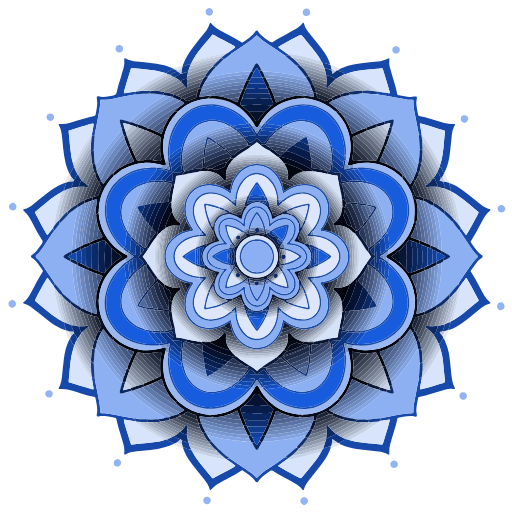
<svg version="1.1" id="Layer_1" xmlns="http://www.w3.org/2000/svg" xmlns:xlink="http://www.w3.org/1999/xlink" x="0px" y="0px"
	 width="100%" viewBox="0 0 4859 4859" enable-background="new 0 0 4859 4859" xml:space="preserve">
<path fill="#FFFFFF" opacity="1.000000" stroke="none"
	d="
M4864.000000,1788.000000
	C4864.000000,2814.666748 4864.000000,3839.333252 4864.000000,4864.000000
	C3244.000000,4864.000000 1624.000000,4864.000000 4.000001,4864.000000
	C4.000000,3244.000000 4.000000,1624.000000 4.000000,4.000001
	C1624.000000,4.000001 3244.000000,4.000001 4864.000000,4.000000
	C4864.000000,598.000000 4864.000000,1192.000000 4864.000000,1788.000000
M3137.010254,616.417908
	C3137.010254,616.417908 3135.901855,616.025940 3136.008789,612.995178
	C3120.337402,565.738770 3096.271484,522.763306 3067.226807,482.711273
	C3044.158203,450.900299 3019.468750,420.246796 2995.026855,389.454407
	C2972.238037,360.745239 2948.440430,332.833344 2925.811768,304.001831
	C2908.011230,281.322327 2894.292969,256.212555 2885.797607,228.459656
	C2884.833252,225.309219 2883.615723,222.199448 2882.158203,219.247223
	C2880.687744,216.268616 2876.088867,215.564636 2873.487793,217.828430
	C2871.495850,219.561981 2869.524414,221.409149 2867.937500,223.503906
	C2851.134033,245.682343 2829.715820,262.527252 2805.756348,276.081787
	C2776.775146,292.477325 2747.531982,308.432617 2718.080322,323.968781
	C2676.824951,345.731689 2635.396729,367.106903 2596.797852,393.533905
	C2580.448975,404.727264 2571.555176,403.979370 2554.967041,392.109039
	C2540.334961,381.638519 2525.778564,371.061523 2511.248047,360.450073
	C2487.422607,343.050720 2465.684326,323.676758 2449.604736,298.438446
	C2441.677734,285.996429 2433.928467,286.123840 2424.329834,297.402954
	C2423.036377,298.922821 2421.789307,300.512939 2420.742676,302.207642
	C2406.101074,325.917297 2385.676025,344.001526 2363.531006,360.226196
	C2345.798096,373.218231 2327.556396,385.519714 2309.448242,397.993225
	C2305.708496,400.569183 2301.559814,402.551422 2297.324707,404.963776
	C2293.987305,403.036438 2291.033936,401.569092 2288.331055,399.733673
	C2256.307861,377.988983 2222.568115,359.170898 2188.434082,341.022797
	C2155.496094,323.510681 2122.485596,306.134033 2089.624756,288.478577
	C2057.084229,270.995148 2027.207153,250.079651 2003.870972,220.843674
	C2002.029297,218.536209 1998.840454,217.304016 1995.102173,214.777710
	C1992.362793,220.079315 1989.495483,223.812881 1988.418701,228.006210
	C1981.304321,255.711533 1967.056152,279.504486 1949.288818,301.512970
	C1915.793213,343.004089 1882.355591,384.542084 1848.971924,426.123474
	C1801.583984,485.147827 1759.972656,547.584961 1731.873657,619.865051
	C1726.686890,620.577332 1721.144775,620.351868 1716.373657,622.160522
	C1692.960938,631.036072 1669.495850,639.867065 1644.772705,651.754883
	C1628.143555,645.000488 1611.731812,637.637390 1594.843872,631.607605
	C1546.925537,614.498291 1497.049072,606.035461 1446.744019,600.252563
	C1396.490967,594.475708 1346.125610,589.654480 1295.779785,584.716675
	C1259.681030,581.176086 1224.823975,573.623596 1192.749634,555.784363
	C1189.567139,554.014282 1185.481079,553.869202 1182.096558,553.039124
	C1180.889404,555.190796 1179.766724,556.305420 1179.692383,557.486084
	C1179.442871,561.440063 1179.210327,565.453857 1179.607788,569.380310
	C1182.119751,594.195740 1179.967651,618.615662 1173.212891,642.566467
	C1164.547852,673.290344 1156.144897,704.108582 1146.532104,734.539673
	C1132.499634,778.962097 1118.058472,823.261475 1109.563354,869.154663
	C1105.112305,893.200195 1093.002319,906.548279 1066.896851,908.710938
	C1056.300659,909.588745 1045.762695,911.389343 1035.260986,913.145325
	C1001.633179,918.768066 968.027222,923.446716 934.307007,913.821594
	C933.670166,913.639771 933.003723,913.528259 932.343384,913.466919
	C924.209778,912.711182 918.031799,917.944092 918.304077,926.433655
	C918.537415,933.708374 920.320435,940.919373 920.909973,948.199768
	C921.873718,960.100891 923.556458,972.094604 922.936829,983.944763
	C921.090027,1019.264404 913.446228,1053.796021 907.126892,1088.489380
	C905.954224,1094.927124 902.495178,1099.369019 895.590820,1100.546265
	C892.317810,1101.104492 889.111816,1102.064697 885.883545,1102.874756
	C858.153870,1109.833252 830.219360,1116.075684 802.744263,1123.925781
	C757.338440,1136.898560 712.210083,1150.846313 667.001587,1164.504883
	C634.833923,1174.223633 602.217529,1179.517578 568.495728,1175.856445
	C564.895325,1175.465576 561.107544,1176.800659 557.746887,1177.286011
	C555.467102,1184.301758 558.703430,1188.887817 561.258728,1193.389648
	C569.213074,1207.403076 574.930969,1222.344604 578.486633,1237.925903
	C582.331177,1254.773315 585.848145,1271.807007 587.793884,1288.953857
	C592.371338,1329.294556 595.860168,1369.758057 599.915344,1410.159180
	C604.771729,1458.542725 611.701904,1506.567627 623.790710,1553.777100
	C632.077576,1586.139038 644.106873,1617.068604 655.027161,1648.795532
	C638.920288,1674.862549 627.549255,1702.904907 617.873901,1734.381104
	C576.620117,1748.445068 538.018127,1768.004395 502.261963,1792.722290
	C474.877350,1811.653076 448.200378,1831.690186 422.048981,1852.301514
	C387.505188,1879.527222 353.936005,1907.985596 319.658691,1935.554565
	C291.980835,1957.815674 262.562469,1977.115479 227.565918,1986.263428
	C224.695908,1987.013550 222.285156,1989.520508 220.030960,1990.972778
	C220.230499,1998.578735 225.130020,2001.264648 229.163300,2004.554688
	C246.370026,2018.590698 260.729370,2035.166260 272.484833,2053.938477
	C280.259827,2066.354004 287.793152,2078.940430 294.936646,2091.728760
	C329.682434,2153.931152 359.423706,2218.927002 399.136475,2278.356201
	C406.199554,2288.926025 406.713898,2299.356689 399.036560,2309.888916
	C381.380463,2334.110840 364.155792,2358.658447 346.030579,2382.522705
	C335.090149,2396.927734 321.642059,2409.293457 305.858124,2418.163818
	C288.652191,2427.832764 288.796783,2439.323486 305.054138,2449.213379
	C325.280273,2461.517822 341.362762,2478.442627 355.598969,2497.070312
	C367.327545,2512.416992 378.453064,2528.231201 389.617249,2544.000000
	C396.116882,2553.180420 402.166687,2562.679199 408.715118,2572.478027
	C405.667511,2577.675293 403.058197,2582.197510 400.380737,2586.678955
	C386.375793,2610.122070 371.970490,2633.336426 358.452393,2657.056641
	C346.583038,2677.883545 335.759735,2699.304688 324.369598,2720.406982
	C309.818115,2747.365967 295.608337,2774.523682 280.417175,2801.119141
	C266.778900,2824.995850 249.652679,2846.243408 228.100891,2863.647217
	C226.029083,2865.320557 223.931595,2867.005859 222.108139,2868.933594
	C218.443161,2872.808350 219.789017,2877.813477 225.019989,2880.113281
	C226.847092,2880.916748 228.707764,2881.709229 230.629074,2882.223145
	C260.167633,2890.125244 285.570984,2905.843750 309.432953,2924.290771
	C325.248932,2936.517822 340.604248,2949.339111 356.236023,2961.806152
	C395.832306,2993.385742 434.929382,3025.624512 475.236115,3056.271240
	C517.852417,3088.674316 563.975159,3115.235352 614.980530,3132.572998
	C616.815308,3133.196777 618.428101,3134.474121 620.122070,3138.613525
	C620.215942,3139.918213 619.991821,3141.348877 620.450684,3142.509277
	C629.561951,3165.556396 638.721252,3188.584473 647.953125,3211.583496
	C649.751892,3216.064697 653.092102,3219.089844 656.899231,3223.361572
	C630.623596,3277.891602 615.014771,3335.566895 607.729431,3395.428711
	C600.730225,3452.939453 594.573792,3510.561523 588.827881,3568.212646
	C584.964233,3606.978760 578.056519,3644.660156 558.733704,3679.169189
	C557.056458,3682.164307 557.522095,3686.359375 556.758240,3691.604736
	C563.460449,3691.604736 568.693604,3692.013672 573.844543,3691.535889
	C600.719360,3689.043457 627.074829,3691.806885 652.946289,3699.195312
	C682.382385,3707.602051 711.883606,3715.822021 741.103210,3724.935303
	C790.672668,3740.395508 840.079407,3756.353271 891.265869,3765.859863
	C895.119141,3766.575439 898.839172,3768.008545 902.856323,3769.176270
	C904.278320,3772.656494 906.053711,3775.573242 906.660583,3778.715820
	C910.952454,3800.940674 915.490540,3823.134766 919.011169,3845.487061
	C923.489990,3873.923096 924.540405,3902.431396 918.785339,3930.968994
	C914.991699,3949.780029 920.947815,3955.219727 940.204468,3951.731689
	C941.514648,3951.494385 942.823730,3951.221191 944.106628,3950.867676
	C961.793518,3945.992432 979.848877,3946.104736 997.682678,3948.656006
	C1028.655640,3953.086182 1059.442505,3958.804199 1090.374390,3963.544922
	C1098.964844,3964.861328 1102.710571,3969.046387 1104.603760,3977.413818
	C1110.623657,4004.020996 1116.589722,4030.692139 1124.131592,4056.891113
	C1137.571533,4103.578613 1152.294067,4149.895508 1166.205322,4196.449219
	C1176.755981,4231.757324 1184.215698,4267.505371 1178.971191,4304.712402
	C1178.878540,4305.369141 1178.892578,4306.042969 1178.890381,4306.708984
	C1178.868408,4313.510742 1183.080200,4316.292969 1189.384155,4313.592285
	C1191.217285,4312.807129 1193.047119,4311.964355 1194.752808,4310.939453
	C1212.096436,4300.516113 1231.080566,4294.615234 1250.677734,4290.222168
	C1283.924072,4282.768555 1317.743286,4279.418457 1351.573242,4276.595215
	C1400.036743,4272.551758 1448.446899,4268.282227 1496.427002,4260.100586
	C1546.486694,4251.564453 1595.454590,4239.352539 1644.503052,4218.711426
	C1650.056519,4220.641113 1655.743042,4222.259277 1661.136963,4224.562988
	C1673.773193,4229.958984 1685.994263,4236.454590 1698.901367,4241.051758
	C1711.045654,4245.377441 1722.169434,4253.707520 1737.845703,4254.305664
	C1752.988647,4296.542969 1773.313354,4336.199219 1799.052734,4372.872070
	C1817.403809,4399.018066 1836.598877,4424.624512 1856.447388,4449.654785
	C1884.176025,4484.623047 1913.096558,4518.643555 1941.066528,4553.423828
	C1962.502075,4580.079102 1980.097290,4608.958984 1989.268188,4642.385254
	C1990.211060,4645.822266 1993.140747,4648.714844 1995.760620,4652.818359
	C1999.506592,4650.081055 2002.697266,4648.696777 2004.510254,4646.279785
	C2025.395020,4618.432617 2053.224121,4599.214844 2083.228516,4582.773438
	C2110.668213,4567.736816 2138.230957,4552.918945 2165.898438,4538.306152
	C2207.715332,4516.219238 2249.450684,4494.019043 2288.603760,4467.330078
	C2291.291016,4465.498047 2294.414062,4464.304688 2297.026855,4462.971191
	C2299.540527,4463.780762 2301.708984,4463.974609 2303.260010,4465.054688
	C2326.760010,4481.415527 2350.445801,4497.528320 2373.532715,4514.456543
	C2392.446045,4528.324707 2408.754639,4544.969727 2421.637207,4564.759277
	C2423.447998,4567.540527 2425.328369,4570.337402 2427.568359,4572.765625
	C2433.167969,4578.834473 2441.002441,4579.062012 2446.956543,4573.285645
	C2449.320801,4570.991211 2451.386230,4568.287598 2453.156006,4565.497070
	C2467.304688,4543.187012 2486.347656,4525.561035 2507.281006,4509.991699
	C2526.511475,4495.689453 2546.571533,4482.505859 2565.942627,4468.386230
	C2573.627930,4462.784180 2579.860840,4463.229492 2587.606445,4468.515137
	C2625.625244,4494.461914 2666.201904,4516.032227 2706.899658,4537.395508
	C2736.962891,4553.176758 2767.006348,4569.025391 2796.609619,4585.643555
	C2824.063721,4601.055176 2849.163574,4619.640625 2868.904541,4644.697754
	C2871.218506,4647.634766 2874.755127,4649.608398 2877.496582,4651.843262
	C2879.450439,4650.503418 2880.971191,4649.998047 2881.540283,4648.967773
	C2883.126221,4646.096680 2884.742920,4643.123047 2885.597656,4639.985840
	C2893.633057,4610.489746 2909.105469,4585.046875 2928.100098,4561.515137
	C2955.716553,4527.302246 2983.607178,4493.308105 3010.956055,4458.882812
	C3029.595459,4435.420410 3047.964355,4411.714355 3065.645020,4387.525879
	C3095.272705,4346.993164 3118.377686,4302.818359 3139.555420,4255.698730
	C3161.631348,4247.407227 3183.867920,4239.511230 3205.700684,4230.622070
	C3213.928955,4227.271973 3223.587158,4225.113770 3230.939697,4216.160156
	C3255.837646,4227.408203 3281.213379,4237.244141 3307.585205,4244.658691
	C3359.118408,4259.146973 3411.917725,4265.967285 3464.920166,4271.612793
	C3507.314453,4276.127930 3549.827637,4279.584961 3592.165527,4284.554199
	C3622.712158,4288.140137 3652.481689,4295.312500 3679.682861,4310.667969
	C3683.073242,4312.582031 3686.894775,4313.731934 3691.184570,4315.513184
	C3692.814941,4312.871094 3694.945801,4310.847168 3695.276367,4308.562500
	C3695.839600,4304.671875 3695.543945,4300.588379 3695.133789,4296.635254
	C3692.556152,4271.790527 3695.225830,4247.359863 3701.417725,4223.333008
	C3706.732178,4202.711426 3712.558105,4182.211914 3718.598877,4161.788574
	C3731.249512,4119.019531 3744.489990,4076.422119 3756.861328,4033.573242
	C3761.653320,4016.975342 3764.790527,3999.896973 3768.603027,3983.019775
	C3771.845947,3968.662598 3772.292236,3965.113525 3788.495117,3962.950439
	C3805.625977,3960.663330 3822.471680,3956.320557 3839.526611,3953.364258
	C3871.198486,3947.874756 3902.947998,3944.747803 3934.778809,3952.429688
	C3937.360352,3953.052734 3939.977051,3953.783447 3942.604736,3953.913330
	C3949.937256,3954.275635 3955.768311,3949.451172 3956.138428,3942.241943
	C3956.374268,3937.649170 3956.055420,3932.864014 3955.001953,3928.396973
	C3949.237305,3903.950684 3950.295166,3879.319580 3953.866699,3854.886230
	C3957.524170,3829.864746 3962.711670,3805.064453 3967.392334,3780.197998
	C3968.103027,3776.421875 3969.693359,3772.811523 3970.858154,3769.182373
	C3976.026855,3767.690186 3980.414307,3766.021484 3984.955078,3765.176025
	C4021.680176,3758.338135 4057.466553,3747.954834 4093.166504,3737.144287
	C4135.849609,3724.218994 4178.603516,3711.518311 4221.425781,3699.061523
	C4247.876953,3691.366943 4274.801758,3687.782227 4302.411621,3691.564941
	C4306.793945,3692.165283 4311.382812,3691.255127 4315.234375,3691.073486
	C4319.182617,3684.477539 4316.347168,3679.828857 4313.707031,3675.182617
	C4304.069824,3658.225586 4297.513184,3640.064697 4293.989258,3620.974609
	C4290.124512,3600.036377 4286.395508,3579.016113 4284.012207,3557.873291
	C4278.267090,3506.908936 4273.908203,3455.785400 4267.899414,3404.854492
	C4263.450195,3367.139893 4256.589355,3329.719971 4244.554688,3293.583740
	C4236.785645,3270.254883 4227.509277,3247.427979 4221.417969,3222.928467
	C4227.889160,3209.331055 4234.817871,3195.928467 4240.711914,3182.085205
	C4247.636719,3165.822510 4253.663574,3149.177246 4262.682617,3131.307617
	C4307.258789,3114.672607 4348.780762,3092.188965 4387.331055,3064.468994
	C4412.736328,3046.201172 4437.472656,3026.963135 4461.973145,3007.486084
	C4496.913086,2979.709961 4531.113281,2951.001953 4566.109375,2923.298828
	C4589.219238,2905.005127 4614.448242,2890.250244 4643.211426,2882.238770
	C4647.385254,2881.076416 4651.049805,2878.083496 4656.063477,2875.324951
	C4652.905273,2871.148926 4651.164551,2867.405518 4648.253906,2865.224854
	C4623.162598,2846.427246 4605.271973,2821.706543 4590.237793,2794.755859
	C4574.668457,2766.845459 4559.422852,2738.746582 4544.519043,2710.475098
	C4521.528809,2666.864990 4498.441895,2623.332031 4470.834473,2582.381592
	C4469.022949,2579.693848 4467.879883,2576.555176 4466.583984,2573.944092
	C4467.379395,2571.418457 4467.548340,2569.230469 4468.632812,2567.685303
	C4486.229980,2542.611572 4503.497070,2517.287598 4521.785645,2492.725098
	C4534.163086,2476.102051 4548.788574,2461.074219 4566.792480,2450.604980
	C4585.206543,2439.896484 4585.328125,2427.003906 4567.274414,2416.453125
	C4552.125488,2407.599854 4540.011230,2395.182373 4528.536133,2382.132812
	C4506.906250,2357.536377 4489.136719,2330.122803 4470.981445,2302.994141
	C4470.241211,2301.887939 4469.481445,2300.782959 4468.870605,2299.604980
	C4466.885742,2295.775391 4466.936523,2291.862549 4469.011230,2288.144043
	C4470.629883,2285.241943 4472.714844,2282.603760 4474.420898,2279.745605
	C4489.775879,2254.022217 4505.744141,2228.637451 4520.262695,2202.449219
	C4540.279297,2166.345459 4559.167480,2129.616699 4578.586426,2093.180908
	C4597.194824,2058.266113 4618.501953,2025.442017 4650.059570,2000.466797
	C4652.363281,1998.644043 4653.516113,1995.368164 4654.814941,1993.367310
	C4651.508301,1986.428101 4646.002930,1985.610840 4640.926270,1984.327515
	C4623.946289,1980.035522 4608.343750,1972.552490 4593.705566,1963.218628
	C4583.054688,1956.427368 4572.729004,1949.013672 4562.867676,1941.116577
	C4526.983398,1912.378540 4491.348145,1883.328491 4455.632324,1854.380249
	C4423.520020,1828.352783 4390.741699,1803.217651 4355.408203,1781.661621
	C4326.406738,1763.968262 4296.730957,1747.549316 4261.957031,1736.199341
	C4259.871094,1735.021606 4257.784668,1733.843872 4255.804199,1729.482666
	C4255.731934,1728.176514 4255.993164,1726.738525 4255.537598,1725.583496
	C4246.445801,1702.525269 4237.312988,1679.483032 4228.082031,1656.479980
	C4225.952637,1651.172974 4221.998047,1648.070557 4216.315918,1645.476318
	C4216.757324,1643.833984 4217.198730,1642.191528 4219.592773,1638.705811
	C4227.976562,1617.008667 4237.282227,1595.615356 4244.550781,1573.550781
	C4259.402344,1528.466309 4266.393555,1481.683472 4271.683594,1434.680786
	C4277.193848,1385.725342 4282.175293,1336.709595 4287.275391,1287.708496
	C4290.887695,1253.002319 4298.113281,1219.394043 4315.602539,1188.629395
	C4317.340820,1185.571167 4317.128906,1181.404053 4318.115723,1176.207520
	C4311.472656,1176.123047 4306.265137,1175.587158 4301.154297,1176.072510
	C4277.697266,1178.299194 4254.600586,1176.342285 4231.776855,1170.722778
	C4221.439453,1168.177612 4211.078613,1165.693726 4200.830566,1162.820190
	C4126.563477,1141.996460 4054.167236,1114.500488 3978.028320,1100.362305
	C3970.908203,1099.040161 3968.557373,1094.341919 3967.435547,1087.799927
	C3962.824463,1060.908936 3957.085205,1034.183960 3953.360840,1007.177124
	C3950.266846,984.742249 3949.954590,962.035217 3955.223877,939.624878
	C3956.280029,935.133789 3956.719727,930.406677 3956.738525,925.785461
	C3956.762695,919.836914 3952.933350,915.474487 3946.940186,915.239990
	C3941.024658,915.008606 3934.903320,915.292053 3929.147217,916.579285
	C3907.987793,921.311218 3886.772461,920.778564 3865.611328,917.530212
	C3839.311035,913.492981 3813.189453,908.242188 3786.842773,904.581482
	C3775.660889,903.027893 3770.569580,897.919922 3768.713135,887.186646
	C3761.553711,845.782898 3749.228516,805.708069 3736.978516,765.603271
	C3725.124023,726.794189 3713.401611,687.932861 3702.494629,648.850647
	C3695.127930,622.454529 3690.858887,595.504028 3695.247070,567.908142
	C3695.661621,565.300842 3695.692383,562.597107 3695.590088,559.950195
	C3695.385010,554.646301 3691.000000,552.051514 3685.708008,554.072449
	C3683.225586,555.020386 3680.750977,556.068237 3678.436035,557.362427
	C3649.984375,573.267029 3618.797363,580.074402 3586.936035,583.687195
	C3535.342041,589.537415 3483.632812,594.365723 3431.986084,599.759827
	C3388.215088,604.331421 3344.854492,611.592773 3302.776367,624.532227
	C3277.423340,632.328491 3252.874512,642.738831 3225.151611,651.497986
	C3216.485596,646.911316 3208.046143,641.811768 3199.100098,637.859192
	C3185.916260,632.034058 3172.489258,626.699524 3158.929932,621.809692
	C3152.259033,619.403931 3145.058838,618.465942 3137.010254,616.417908
M4788.296875,2899.070068
	C4783.478027,2879.719482 4772.921387,2869.215088 4757.126953,2868.029541
	C4731.477539,2866.104492 4721.025879,2883.560547 4716.962402,2901.502686
	C4713.900391,2915.022217 4722.917969,2932.416016 4734.927246,2938.755859
	C4750.235840,2946.836914 4765.127930,2944.769287 4777.138184,2933.130859
	C4785.899902,2924.640625 4789.211426,2914.285645 4788.296875,2899.070068
M2880.812988,141.048203
	C2884.442871,143.837204 2887.678223,147.652832 2891.774658,149.227539
	C2905.468506,154.491531 2919.149658,154.466370 2931.373047,145.195450
	C2942.549805,136.718399 2945.467773,124.718735 2943.670898,111.434601
	C2941.539795,95.679756 2924.045166,80.631668 2908.867432,81.066063
	C2881.956299,81.836273 2865.829102,106.058075 2875.459473,131.345535
	C2876.395020,133.801270 2877.889893,136.043961 2880.812988,141.048203
M144.371841,2905.770508
	C146.042633,2902.923340 148.101730,2900.232422 149.318253,2897.202881
	C155.143677,2882.696045 151.943527,2869.889404 141.190094,2858.928223
	C130.790863,2848.327881 115.226418,2844.710449 102.877312,2851.042969
	C89.422852,2857.942383 79.278305,2867.194336 80.118332,2884.791016
	C81.198265,2907.413330 104.288994,2925.468506 125.646301,2918.423340
	C131.682953,2916.431641 136.787048,2911.613281 144.371841,2905.770508
M3726.844727,4372.427246
	C3725.085449,4373.349121 3723.207275,4374.098633 3721.585449,4375.219727
	C3706.015137,4385.977539 3700.948730,4400.854980 3706.858398,4418.228516
	C3712.295410,4434.213867 3723.145996,4440.961914 3742.309326,4440.275391
	C3742.971191,4440.251465 3743.634521,4440.248047 3744.294922,4440.202148
	C3765.476562,4438.732422 3779.452637,4421.029785 3775.233154,4400.327637
	C3773.368164,4391.176270 3770.183350,4382.091309 3761.387695,4377.146484
	C3751.599365,4371.644043 3741.522461,4366.067871 3726.844727,4372.427246
M4372.324219,1132.823853
	C4373.810059,1137.208984 4374.820801,1141.830566 4376.864258,1145.937866
	C4385.083496,1162.453003 4402.597656,1167.808350 4419.341309,1162.130615
	C4436.497559,1156.312744 4446.887695,1137.763550 4443.145508,1120.854614
	C4438.842285,1101.409058 4417.750977,1088.858521 4398.745117,1094.459229
	C4381.208496,1099.626953 4372.386719,1111.386230 4372.324219,1132.823853
M4431.686035,3760.820557
	C4430.107422,3733.095459 4415.776855,3720.522217 4389.295410,3723.626953
	C4373.215332,3725.512695 4361.263184,3737.929688 4359.985352,3754.076416
	C4358.575684,3771.897705 4368.008789,3786.626221 4383.785156,3791.235107
	C4403.440430,3796.977051 4419.193359,3790.030029 4428.456543,3771.429932
	C4429.637207,3769.059082 4430.359375,3766.459717 4431.686035,3760.820557
M1137.001587,427.784790
	C1135.002930,427.772003 1132.993408,427.615753 1131.007446,427.768036
	C1102.858276,429.926422 1088.405640,456.822296 1102.347656,481.055511
	C1109.517456,493.517731 1126.395386,501.033264 1139.817261,497.740356
	C1156.432251,493.664093 1167.043457,481.710846 1168.097290,465.883972
	C1169.396729,446.371216 1161.691650,435.893372 1137.001587,427.784790
M91.668373,1981.628418
	C94.939888,1984.891846 98.001541,1988.405762 101.530289,1991.362183
	C107.324829,1996.216919 114.601959,1999.009888 121.751884,1998.025391
	C148.313232,1994.368164 158.908340,1977.269409 156.002777,1955.901489
	C154.015152,1941.284058 144.398895,1932.933838 131.288544,1927.489502
	C119.246445,1922.488770 109.142944,1926.568970 100.050835,1933.752319
	C84.285423,1946.207642 81.620361,1959.454834 91.668373,1981.628418
M1957.220337,92.502670
	C1951.321167,98.956177 1951.274292,106.935143 1951.523193,114.918892
	C1952.023071,130.952927 1961.418945,143.393265 1975.847168,147.352936
	C1991.417114,151.625977 2007.948486,145.729736 2015.682617,132.539719
	C2024.222534,117.975121 2024.968262,103.911705 2013.108887,90.614510
	C2011.352051,88.644684 2009.467896,86.777458 2007.538208,84.974533
	C1995.455322,73.685562 1979.524780,73.056442 1966.600830,83.423004
	C1964.032349,85.483307 1961.738892,87.886612 1957.220337,92.502670
M1949.775879,4782.397949
	C1955.004761,4783.088867 1960.217529,4783.953125 1965.465454,4784.440430
	C1988.858276,4786.613281 2007.436890,4758.892090 1997.309326,4735.181152
	C1991.019897,4720.456055 1978.957275,4713.729980 1964.244629,4713.939453
	C1950.494873,4714.134277 1938.900269,4720.260254 1932.455811,4734.154297
	C1926.131836,4747.789062 1927.418701,4759.939453 1936.864502,4771.251465
	C1939.813599,4774.783203 1943.628052,4777.592773 1949.775879,4782.397949
M444.911133,1095.602417
	C440.027344,1105.916016 440.780823,1116.123779 445.299988,1126.351929
	C450.654419,1138.470459 465.554260,1148.057861 478.696167,1147.672241
	C490.905945,1147.313721 506.921387,1135.715088 511.072296,1124.224731
	C515.824036,1111.071045 511.736481,1093.428955 502.119934,1085.586670
	C489.263000,1075.101929 472.179169,1072.849365 459.348480,1080.854248
	C454.415955,1083.931641 450.639618,1088.862183 444.911133,1095.602417
M4776.456543,2011.927734
	C4779.467285,2009.368286 4783.248535,2007.324829 4785.363281,2004.165771
	C4799.629395,1982.854492 4800.683105,1979.480103 4782.978027,1957.126953
	C4774.280762,1946.146973 4758.208496,1943.141724 4744.980957,1948.296265
	C4729.434082,1954.354614 4719.939941,1970.479614 4722.729004,1986.089233
	C4726.107910,2004.999512 4738.051758,2016.075073 4756.186035,2016.166138
	C4761.981934,2016.195190 4767.787598,2014.316895 4776.456543,2011.927734
M2909.639893,4727.649414
	C2900.835449,4720.227539 2890.473633,4718.638184 2879.549072,4720.178711
	C2857.724609,4723.256348 2843.776611,4749.179688 2853.627930,4769.429199
	C2859.443848,4781.383789 2870.910156,4787.442383 2882.953857,4791.874023
	C2885.261719,4792.723633 2888.432373,4792.440918 2890.836914,4791.612305
	C2903.198242,4787.356445 2913.868652,4780.319824 2919.301758,4768.148926
	C2925.583252,4754.077637 2923.227783,4740.843750 2909.639893,4727.649414
M3748.117188,440.026794
	C3728.692383,448.803925 3720.972412,461.311615 3723.893311,480.083954
	C3725.891357,492.924133 3733.254395,502.436676 3745.456543,506.227234
	C3757.553467,509.985199 3770.161865,511.007446 3780.951416,501.292847
	C3797.957520,485.980865 3802.061768,462.796234 3779.609375,445.464233
	C3775.674072,442.426056 3770.236328,440.852325 3765.240723,439.813477
	C3760.811035,438.892365 3756.031494,439.655365 3748.117188,440.026794
M498.202057,3721.745605
	C489.999298,3707.867920 478.259460,3701.826660 461.827789,3703.217285
	C439.369843,3705.117920 424.229919,3727.184326 431.664520,3748.542480
	C437.582306,3765.543457 453.856873,3774.893799 472.563049,3772.040039
	C488.871429,3769.552002 499.841339,3756.486084 500.316711,3738.592529
	C500.438690,3734.000732 499.722839,3729.386475 498.202057,3721.745605
M1142.031006,4415.186035
	C1148.630127,4406.666992 1148.373291,4396.778809 1148.498657,4386.650391
	C1148.682617,4371.781738 1125.415161,4353.079590 1107.580078,4357.942871
	C1092.071533,4362.171387 1076.733887,4374.825195 1079.489136,4397.777344
	C1081.436279,4413.996582 1092.890869,4426.304199 1108.995728,4427.961914
	C1120.854492,4429.182129 1131.485474,4426.588379 1142.031006,4415.186035
z"/>
<path fill="#1649A9" opacity="1.000000" stroke="none"
	d="
M3227.964111,651.974426
	C3252.874512,642.738831 3277.423340,632.328491 3302.776367,624.532227
	C3344.854492,611.592773 3388.215088,604.331421 3431.986084,599.759827
	C3483.632812,594.365723 3535.342041,589.537415 3586.936035,583.687195
	C3618.797363,580.074402 3649.984375,573.267029 3678.436035,557.362427
	C3680.750977,556.068237 3683.225586,555.020386 3685.708008,554.072449
	C3691.000000,552.051514 3695.385010,554.646301 3695.590088,559.950195
	C3695.692383,562.597107 3695.661621,565.300842 3695.247070,567.908142
	C3690.858887,595.504028 3695.127930,622.454529 3702.494629,648.850647
	C3713.401611,687.932861 3725.124023,726.794189 3736.978516,765.603271
	C3749.228516,805.708069 3761.553711,845.782898 3768.713135,887.186646
	C3770.569580,897.919922 3775.660889,903.027893 3786.842773,904.581482
	C3813.189453,908.242188 3839.311035,913.492981 3865.611328,917.530212
	C3886.772461,920.778564 3907.987793,921.311218 3929.147217,916.579285
	C3934.903320,915.292053 3941.024658,915.008606 3946.940186,915.239990
	C3952.933350,915.474487 3956.762695,919.836914 3956.738525,925.785461
	C3956.719727,930.406677 3956.280029,935.133789 3955.223877,939.624878
	C3949.954590,962.035217 3950.266846,984.742249 3953.360840,1007.177124
	C3957.085205,1034.183960 3962.824463,1060.908936 3967.435547,1087.799927
	C3968.557373,1094.341919 3970.908203,1099.040161 3978.028320,1100.362305
	C4054.167236,1114.500488 4126.563477,1141.996460 4200.830566,1162.820190
	C4211.078613,1165.693726 4221.439453,1168.177612 4231.776855,1170.722778
	C4254.600586,1176.342285 4277.697266,1178.299194 4301.154297,1176.072510
	C4306.265137,1175.587158 4311.472656,1176.123047 4318.115723,1176.207520
	C4317.128906,1181.404053 4317.340820,1185.571167 4315.602539,1188.629395
	C4298.113281,1219.394043 4290.887695,1253.002319 4287.275391,1287.708496
	C4282.175293,1336.709595 4277.193848,1385.725342 4271.683594,1434.680786
	C4266.393555,1481.683472 4259.402344,1528.466309 4244.550781,1573.550781
	C4237.282227,1595.615356 4227.976562,1617.008667 4217.107422,1639.362915
	C4205.157227,1636.589233 4204.143066,1627.192383 4200.516602,1619.741821
	C4196.201172,1610.876953 4192.225098,1601.838379 4188.358887,1592.765869
	C4185.261719,1585.496948 4179.541504,1583.528687 4172.360352,1582.510742
	C4175.040527,1571.401855 4177.708984,1561.780396 4181.295410,1550.989746
	C4185.576172,1536.293335 4189.248047,1522.834595 4192.245605,1509.227051
	C4202.991699,1460.444580 4208.066895,1410.878540 4212.360840,1361.206299
	C4214.306641,1338.698364 4216.526855,1316.213501 4218.727051,1293.728516
	C4220.149902,1279.180542 4221.870117,1264.661255 4223.246094,1250.109253
	C4223.897949,1243.210327 4221.891602,1240.050171 4215.854492,1237.674316
	C4213.394043,1236.705933 4210.732422,1236.262085 4208.196289,1235.471191
	C4174.593262,1224.991211 4141.087891,1214.187866 4107.372559,1204.081299
	C4072.388916,1193.594360 4037.208252,1183.762207 4002.102539,1173.682617
	C3996.424316,1172.052246 3990.663330,1169.907104 3984.910156,1174.254639
	C3984.910156,1176.186646 3984.631348,1178.171753 3984.952637,1180.054321
	C3988.864502,1202.968872 3992.834961,1225.873535 3996.853760,1248.769775
	C3999.146729,1261.835815 4001.554443,1274.881714 4003.222656,1287.898071
	C4002.534424,1287.859375 4001.174316,1287.636475 3999.899658,1287.747314
	C3995.231201,1286.051758 3991.373535,1284.776611 3988.553711,1282.313477
	C3984.432373,1278.713135 3980.299316,1275.778809 3973.913330,1274.303711
	C3971.159424,1260.579468 3969.495605,1248.063110 3967.103760,1235.687134
	C3957.407715,1185.511963 3947.397705,1135.397461 3937.678467,1085.226562
	C3929.842529,1044.777466 3922.216064,1004.293945 3923.880615,962.748596
	C3924.057617,958.326172 3922.936523,953.851624 3922.315918,948.527405
	C3916.161621,948.221191 3910.999512,947.872192 3905.831543,947.725952
	C3893.873291,947.387512 3881.696289,948.495178 3869.991455,946.621460
	C3830.680176,940.328247 3791.500488,933.184998 3752.338135,925.996155
	C3702.072998,916.769165 3652.157227,905.610657 3601.379639,899.214783
	C3595.653809,898.493591 3590.199463,895.617981 3584.356445,892.170715
	C3582.813965,887.839050 3582.007812,884.694824 3580.151123,882.400757
	C3576.792969,878.252136 3575.793945,873.676880 3577.319824,868.331177
	C3580.498047,867.831299 3582.321045,867.605957 3585.311035,867.776733
	C3588.113525,868.242432 3589.749268,868.312134 3592.289307,869.142700
	C3595.474609,870.020508 3597.755371,870.137634 3601.715332,870.693848
	C3618.487305,873.556396 3633.583740,875.955872 3648.671387,878.410706
	C3661.791504,880.545532 3674.864502,883.033264 3688.041504,884.712524
	C3691.424072,885.143555 3695.120850,883.111938 3700.013184,881.872009
	C3697.770508,872.317078 3696.248779,863.859619 3693.792236,855.683044
	C3674.095215,790.117188 3654.257080,724.593506 3634.307129,659.104126
	C3633.201172,655.473328 3630.720215,652.261414 3628.419922,648.004395
	C3621.450195,648.309326 3614.870605,648.313721 3608.348877,648.929504
	C3571.278809,652.429749 3534.249268,656.384155 3497.154541,659.592285
	C3454.059814,663.319336 3411.141846,668.392395 3368.763184,677.022034
	C3350.655518,680.709351 3333.013916,686.687378 3313.681885,691.571655
	C3301.379883,695.535156 3290.556641,699.551453 3278.300293,703.595703
	C3274.047119,704.146240 3271.227295,704.668823 3268.190674,703.699463
	C3265.757568,699.056580 3264.205078,694.803345 3261.186279,692.984924
	C3254.978271,689.245850 3247.954590,686.877197 3241.324219,683.819092
	C3233.480469,680.201294 3225.718506,676.405457 3217.879395,672.777405
	C3213.762939,670.872437 3212.096924,667.534851 3212.494385,662.200195
	C3218.111328,658.087280 3223.037598,655.030823 3227.964111,651.974426
z"/>
<path fill="#1649A9" opacity="1.000000" stroke="none"
	d="
M4218.908691,3224.375977
	C4227.509277,3247.427979 4236.785645,3270.254883 4244.554688,3293.583740
	C4256.589355,3329.719971 4263.450195,3367.139893 4267.899414,3404.854492
	C4273.908203,3455.785400 4278.267090,3506.908936 4284.012207,3557.873291
	C4286.395508,3579.016113 4290.124512,3600.036377 4293.989258,3620.974609
	C4297.513184,3640.064697 4304.069824,3658.225586 4313.707031,3675.182617
	C4316.347168,3679.828857 4319.182617,3684.477539 4315.234375,3691.073486
	C4311.382812,3691.255127 4306.793945,3692.165283 4302.411621,3691.564941
	C4274.801758,3687.782227 4247.876953,3691.366943 4221.425781,3699.061523
	C4178.603516,3711.518311 4135.849609,3724.218994 4093.166504,3737.144287
	C4057.466553,3747.954834 4021.680176,3758.338135 3984.955078,3765.176025
	C3980.414307,3766.021484 3976.026855,3767.690186 3970.858154,3769.182373
	C3969.693359,3772.811523 3968.103027,3776.421875 3967.392334,3780.197998
	C3962.711670,3805.064453 3957.524170,3829.864746 3953.866699,3854.886230
	C3950.295166,3879.319580 3949.237305,3903.950684 3955.001953,3928.396973
	C3956.055420,3932.864014 3956.374268,3937.649170 3956.138428,3942.241943
	C3955.768311,3949.451172 3949.937256,3954.275635 3942.604736,3953.913330
	C3939.977051,3953.783447 3937.360352,3953.052734 3934.778809,3952.429688
	C3902.947998,3944.747803 3871.198486,3947.874756 3839.526611,3953.364258
	C3822.471680,3956.320557 3805.625977,3960.663330 3788.495117,3962.950439
	C3772.292236,3965.113525 3771.845947,3968.662598 3768.603027,3983.019775
	C3764.790527,3999.896973 3761.653320,4016.975342 3756.861328,4033.573242
	C3744.489990,4076.422119 3731.249512,4119.019531 3718.598877,4161.788574
	C3712.558105,4182.211914 3706.732178,4202.711426 3701.417725,4223.333008
	C3695.225830,4247.359863 3692.556152,4271.790527 3695.133789,4296.635254
	C3695.543945,4300.588379 3695.839600,4304.671875 3695.276367,4308.562500
	C3694.945801,4310.847168 3692.814941,4312.871094 3691.184570,4315.513184
	C3686.894775,4313.731934 3683.073242,4312.582031 3679.682861,4310.667969
	C3652.481689,4295.312500 3622.712158,4288.140137 3592.165527,4284.554199
	C3549.827637,4279.584961 3507.314453,4276.127930 3464.920166,4271.612793
	C3411.917725,4265.967285 3359.118408,4259.146973 3307.585205,4244.658691
	C3281.213379,4237.244141 3255.837646,4227.408203 3228.798340,4214.872070
	C3221.687256,4210.404297 3216.717285,4207.224121 3213.172363,4203.827148
	C3226.703613,4197.236328 3238.788086,4190.820801 3250.926025,4184.507812
	C3256.731689,4181.487793 3262.638184,4178.662109 3268.498779,4175.748535
	C3272.942139,4173.539551 3275.603027,4170.098145 3277.173584,4165.088867
	C3281.674072,4165.929199 3284.910889,4166.709961 3289.413574,4168.203125
	C3301.836182,4172.316406 3312.993164,4175.717285 3325.603271,4179.705078
	C3330.869873,4181.454102 3334.641113,4182.785645 3338.503174,4183.754883
	C3388.967285,4196.418457 3440.421143,4202.794922 3492.091064,4207.723145
	C3532.479248,4211.574707 3572.881592,4215.283203 3613.286621,4218.955078
	C3619.128174,4219.485840 3625.200195,4221.261719 3631.152100,4216.930664
	C3632.439941,4213.700195 3634.176514,4210.088379 3635.344482,4206.301270
	C3650.625488,4156.742676 3666.103516,4107.241699 3680.920898,4057.544189
	C3687.563477,4035.265381 3692.949951,4012.606689 3698.601807,3990.044189
	C3699.278320,3987.343506 3698.035156,3984.161621 3697.609863,3980.602295
	C3686.468018,3982.591309 3676.707275,3984.535645 3666.879639,3986.047119
	C3645.902100,3989.274170 3624.889893,3992.276855 3603.935547,3993.945312
	C3605.346924,3988.987549 3606.832031,3985.496094 3608.051758,3981.913818
	C3609.466064,3977.759277 3610.646973,3973.525146 3613.535889,3968.816406
	C3622.345947,3967.012451 3629.557617,3965.760498 3636.751709,3964.416016
	C3676.624512,3956.964111 3716.677490,3950.345947 3756.317383,3941.809814
	C3807.804932,3930.722412 3859.353027,3921.050537 3912.270996,3921.043945
	C3915.386230,3921.043457 3918.501709,3919.790039 3920.965332,3919.260010
	C3925.311768,3912.001709 3923.787842,3905.183105 3923.530029,3898.699707
	C3922.598145,3875.253906 3925.189453,3852.047607 3929.386963,3829.154297
	C3943.660645,3751.310791 3958.628418,3673.594727 3974.682617,3595.824951
	C3981.102295,3596.019043 3984.825195,3593.730713 3987.291992,3589.445312
	C3990.478027,3583.910889 3995.851074,3581.749023 4001.996094,3580.895508
	C4002.854248,3582.587158 4003.183838,3583.270752 4002.898926,3585.437256
	C3997.333496,3616.391846 3992.446045,3645.874756 3987.409912,3675.331787
	C3983.705322,3697.000732 3984.292969,3697.489502 4004.804443,3692.765137
	C4073.478027,3676.947021 4138.952148,3650.174316 4207.460938,3633.730225
	C4221.599121,3630.336670 4225.475098,3622.810059 4223.702637,3608.353271
	C4222.574219,3599.147949 4220.231445,3590.080811 4219.295410,3580.864014
	C4214.062012,3529.316162 4209.690918,3477.673340 4203.826172,3426.199463
	C4199.693359,3389.923340 4193.421875,3353.911621 4181.880859,3317.518066
	C4178.395508,3306.689941 4175.115234,3297.358398 4171.833984,3286.604492
	C4169.354980,3278.077393 4166.875977,3270.972900 4165.847656,3263.846924
	C4172.734375,3264.260010 4175.495117,3260.976562 4177.661621,3256.606445
	C4183.727051,3244.368652 4189.854492,3232.160645 4196.046875,3219.986572
	C4198.666016,3214.837402 4200.547852,3208.991699 4207.867188,3207.779297
	C4212.147461,3213.825439 4215.527832,3219.100586 4218.908691,3224.375977
z"/>
<path fill="#1649A9" opacity="1.000000" stroke="none"
	d="
M657.699219,1647.470459
	C644.106873,1617.068604 632.077576,1586.139038 623.790710,1553.777100
	C611.701904,1506.567627 604.771729,1458.542725 599.915344,1410.159180
	C595.860168,1369.758057 592.371338,1329.294556 587.793884,1288.953857
	C585.848145,1271.807007 582.331177,1254.773315 578.486633,1237.925903
	C574.930969,1222.344604 569.213074,1207.403076 561.258728,1193.389648
	C558.703430,1188.887817 555.467102,1184.301758 557.746887,1177.286011
	C561.107544,1176.800659 564.895325,1175.465576 568.495728,1175.856445
	C602.217529,1179.517578 634.833923,1174.223633 667.001587,1164.504883
	C712.210083,1150.846313 757.338440,1136.898560 802.744263,1123.925781
	C830.219360,1116.075684 858.153870,1109.833252 885.883545,1102.874756
	C889.111816,1102.064697 892.317810,1101.104492 895.590820,1100.546265
	C902.495178,1099.369019 905.954224,1094.927124 907.126892,1088.489380
	C913.446228,1053.796021 921.090027,1019.264404 922.936829,983.944763
	C923.556458,972.094604 921.873718,960.100891 920.909973,948.199768
	C920.320435,940.919373 918.537415,933.708374 918.304077,926.433655
	C918.031799,917.944092 924.209778,912.711182 932.343384,913.466919
	C933.003723,913.528259 933.670166,913.639771 934.307007,913.821594
	C968.027222,923.446716 1001.633179,918.768066 1035.260986,913.145325
	C1045.762695,911.389343 1056.300659,909.588745 1066.896851,908.710938
	C1093.002319,906.548279 1105.112305,893.200195 1109.563354,869.154663
	C1118.058472,823.261475 1132.499634,778.962097 1146.532104,734.539673
	C1156.144897,704.108582 1164.547852,673.290344 1173.212891,642.566467
	C1179.967651,618.615662 1182.119751,594.195740 1179.607788,569.380310
	C1179.210327,565.453857 1179.442871,561.440063 1179.692383,557.486084
	C1179.766724,556.305420 1180.889404,555.190796 1182.096558,553.039124
	C1185.481079,553.869202 1189.567139,554.014282 1192.749634,555.784363
	C1224.823975,573.623596 1259.681030,581.176086 1295.779785,584.716675
	C1346.125610,589.654480 1396.490967,594.475708 1446.744019,600.252563
	C1497.049072,606.035461 1546.925537,614.498291 1594.843872,631.607605
	C1611.731812,637.637390 1628.143555,645.000488 1646.435425,652.856750
	C1648.098145,653.958618 1648.616943,655.696106 1647.164795,655.934204
	C1630.405884,663.513489 1614.940552,670.546753 1599.857544,678.321838
	C1591.977905,682.383728 1582.876099,685.619934 1578.674194,695.752563
	C1571.781982,694.334839 1566.310547,692.879639 1560.128174,690.690063
	C1558.117065,689.792297 1556.816650,689.628845 1554.022705,688.936707
	C1498.607544,672.845886 1443.190063,665.998657 1387.591431,660.379578
	C1346.573242,656.234070 1305.506958,652.557617 1264.447754,648.829651
	C1257.932251,648.238159 1251.250732,646.461487 1243.691040,650.152954
	C1242.375610,653.590637 1240.507202,657.777466 1239.152222,662.124207
	C1228.468018,696.394653 1217.641235,730.623474 1207.334351,765.007874
	C1197.220459,798.748657 1187.640259,832.649841 1177.890869,866.499329
	C1176.266357,872.139404 1174.605469,877.881592 1177.272461,883.225281
	C1184.643188,886.974487 1191.196411,884.355957 1197.579468,883.400391
	C1207.430908,881.925659 1217.112305,879.307922 1226.966919,877.864624
	C1248.619629,874.693726 1270.335449,871.954651 1292.026367,870.439209
	C1292.194580,877.426880 1288.935059,881.235779 1285.247925,884.794678
	C1281.917969,888.008789 1279.891602,891.751648 1278.932861,897.429321
	C1215.833008,906.837402 1154.679443,919.027100 1093.660034,932.023804
	C1050.758789,941.161438 1007.601013,948.550293 963.439392,947.395935
	C959.742676,947.299316 956.002686,948.860657 951.027161,949.918701
	C951.027161,955.873962 951.042053,961.083069 951.023560,966.292053
	C950.997681,973.601379 951.764465,981.024536 950.763977,988.199890
	C946.641907,1017.762573 942.654114,1047.371216 937.370605,1076.738892
	C927.620300,1130.935425 916.977173,1184.971191 906.742737,1239.080933
	C904.155762,1252.758301 901.707214,1266.461914 897.808228,1280.143555
	C891.356323,1279.794678 887.930481,1282.708984 884.186035,1285.611572
	C880.688721,1288.322510 876.368896,1289.972412 872.166077,1290.581665
	C871.829773,1286.031372 871.738464,1282.988770 872.147095,1278.391479
	C877.719177,1247.377808 882.872803,1217.932251 887.784851,1188.446533
	C888.627258,1183.389771 890.462830,1177.917114 884.934753,1172.121582
	C865.307373,1173.787598 845.985046,1180.852173 826.376160,1186.357666
	C807.197205,1191.742310 788.225037,1197.870239 769.198792,1203.789673
	C749.538696,1209.906250 729.823303,1215.869751 710.315735,1222.445068
	C691.040649,1228.942017 670.588196,1232.113037 651.379395,1241.985474
	C651.994629,1251.181519 652.350037,1259.740601 653.180054,1268.253540
	C655.178772,1288.752197 657.837463,1309.194946 659.444031,1329.721802
	C663.333679,1379.419922 667.536133,1429.079834 676.065430,1478.239380
	C680.148682,1501.773926 684.129211,1525.383667 692.379456,1549.365723
	C694.892883,1557.850342 697.484680,1564.912354 700.045776,1573.364258
	C701.139526,1579.192383 702.264099,1583.630493 702.054565,1588.310791
	C693.888855,1591.664917 692.952942,1598.895264 689.821594,1604.499268
	C680.804688,1620.636230 672.132690,1636.965820 662.430054,1652.703613
	C660.256409,1650.615112 658.977783,1649.042725 657.699219,1647.470459
z"/>
<path fill="#1649A9" opacity="1.000000" stroke="none"
	d="
M3136.676270,4256.103027
	C3118.377686,4302.818359 3095.272705,4346.993164 3065.645020,4387.525879
	C3047.964355,4411.714355 3029.595459,4435.420410 3010.956055,4458.882812
	C2983.607178,4493.308105 2955.716553,4527.302246 2928.100098,4561.515137
	C2909.105469,4585.046875 2893.633057,4610.489746 2885.597656,4639.985840
	C2884.742920,4643.123047 2883.126221,4646.096680 2881.540283,4648.967773
	C2880.971191,4649.998047 2879.450439,4650.503418 2877.496582,4651.843262
	C2874.755127,4649.608398 2871.218506,4647.634766 2868.904541,4644.697754
	C2849.163574,4619.640625 2824.063721,4601.055176 2796.609619,4585.643555
	C2767.006348,4569.025391 2736.962891,4553.176758 2706.899658,4537.395508
	C2666.201904,4516.032227 2625.625244,4494.461914 2587.606445,4468.515137
	C2579.860840,4463.229492 2573.627930,4462.784180 2565.942627,4468.386230
	C2546.571533,4482.505859 2526.511475,4495.689453 2507.281006,4509.991699
	C2486.347656,4525.561035 2467.304688,4543.187012 2453.156006,4565.497070
	C2451.386230,4568.287598 2449.320801,4570.991211 2446.956543,4573.285645
	C2441.002441,4579.062012 2433.167969,4578.834473 2427.568359,4572.765625
	C2425.328369,4570.337402 2423.447998,4567.540527 2421.637207,4564.759277
	C2408.754639,4544.969727 2392.446045,4528.324707 2373.532715,4514.456543
	C2350.445801,4497.528320 2326.760010,4481.415527 2303.260010,4465.054688
	C2301.708984,4463.974609 2299.540527,4463.780762 2297.026855,4462.971191
	C2294.414062,4464.304688 2291.291016,4465.498047 2288.603760,4467.330078
	C2249.450684,4494.019043 2207.715332,4516.219238 2165.898438,4538.306152
	C2138.230957,4552.918945 2110.668213,4567.736816 2083.228516,4582.773438
	C2053.224121,4599.214844 2025.395020,4618.432617 2004.510254,4646.279785
	C2002.697266,4648.696777 1999.506592,4650.081055 1995.760620,4652.818359
	C1993.140747,4648.714844 1990.211060,4645.822266 1989.268188,4642.385254
	C1980.097290,4608.958984 1962.502075,4580.079102 1941.066528,4553.423828
	C1913.096558,4518.643555 1884.176025,4484.623047 1856.447388,4449.654785
	C1836.598877,4424.624512 1817.403809,4399.018066 1799.052734,4372.872070
	C1773.313354,4336.199219 1752.988647,4296.542969 1737.269043,4252.127441
	C1736.851440,4249.263672 1737.010376,4248.578613 1738.699707,4247.916504
	C1750.421265,4248.024902 1759.236450,4252.704590 1768.484619,4256.128906
	C1783.190674,4261.573730 1797.393433,4269.311035 1814.806763,4268.426758
	C1819.421021,4275.607910 1823.162842,4281.915527 1827.261230,4289.618164
	C1847.919678,4329.487793 1873.181519,4364.654785 1900.410278,4398.383789
	C1936.406860,4442.973633 1973.020508,4487.065918 2009.450806,4531.305176
	C2011.920044,4534.303711 2015.076172,4536.736816 2018.249390,4539.753418
	C2021.742554,4538.277832 2024.843506,4537.214844 2027.717163,4535.716309
	C2055.473389,4521.235840 2083.361816,4506.996582 2110.878174,4492.072266
	C2147.760742,4472.067871 2184.386230,4451.587891 2221.011719,4431.114746
	C2225.900391,4428.382324 2231.237061,4425.749023 2234.515381,4421.209473
	C2233.064209,4419.016602 2232.583984,4417.581055 2231.587646,4416.889648
	C2205.911621,4399.063965 2180.133545,4381.384766 2154.536621,4363.447754
	C2151.993896,4361.666016 2150.498535,4358.389648 2149.976807,4355.630859
	C2159.996826,4352.833496 2168.557129,4350.211426 2178.423096,4347.896973
	C2229.781494,4382.354004 2279.583008,4416.879883 2329.972900,4450.524414
	C2364.952637,4473.879395 2398.882080,4498.385254 2428.745117,4528.177734
	C2431.010742,4530.437500 2433.956787,4532.015137 2437.074219,4534.261230
	C2440.714600,4531.563477 2444.236328,4529.641113 2446.888672,4526.883301
	C2476.190186,4496.408691 2510.301025,4471.989746 2545.471924,4449.027832
	C2597.899902,4414.798828 2650.194336,4380.404297 2700.150391,4342.590820
	C2702.220703,4341.023926 2704.821777,4340.158203 2708.133789,4340.191406
	C2717.980225,4343.557617 2726.868164,4345.699219 2735.394043,4348.750977
	C2733.795898,4351.157715 2732.560059,4352.654785 2730.048340,4354.740723
	C2701.201416,4375.058594 2673.601074,4394.748047 2646.108887,4414.586426
	C2643.728027,4416.304199 2642.057129,4419.006348 2639.976562,4421.340332
	C2665.104004,4440.029297 2827.047119,4528.087891 2856.631592,4539.239746
	C2858.302734,4537.768066 2860.519043,4536.293457 2862.133301,4534.324707
	C2903.031250,4484.438477 2944.284912,4434.834961 2984.549561,4384.441895
	C3007.315186,4355.949707 3028.801514,4326.384766 3045.982910,4292.496094
	C3052.675293,4279.758789 3058.277344,4267.888672 3064.634033,4255.886719
	C3065.388672,4255.754883 3066.916260,4255.639160 3068.541504,4255.720215
	C3083.377930,4251.596191 3096.704102,4247.715332 3109.763184,4243.082031
	C3119.777832,4239.528809 3129.445068,4234.979492 3140.550537,4237.581055
	C3139.309570,4244.738281 3137.992920,4250.420898 3136.676270,4256.103027
z"/>
<path fill="#1649A9" opacity="1.000000" stroke="none"
	d="
M1735.032104,619.820618
	C1759.972656,547.584961 1801.583984,485.147827 1848.971924,426.123474
	C1882.355591,384.542084 1915.793213,343.004089 1949.288818,301.512970
	C1967.056152,279.504486 1981.304321,255.711533 1988.418701,228.006210
	C1989.495483,223.812881 1992.362793,220.079315 1995.102173,214.777710
	C1998.840454,217.304016 2002.029297,218.536209 2003.870972,220.843674
	C2027.207153,250.079651 2057.084229,270.995148 2089.624756,288.478577
	C2122.485596,306.134033 2155.496094,323.510681 2188.434082,341.022797
	C2222.568115,359.170898 2256.307861,377.988983 2288.331055,399.733673
	C2291.033936,401.569092 2293.987305,403.036438 2297.324707,404.963776
	C2301.559814,402.551422 2305.708496,400.569183 2309.448242,397.993225
	C2327.556396,385.519714 2345.798096,373.218231 2363.531006,360.226196
	C2385.676025,344.001526 2406.101074,325.917297 2420.742676,302.207642
	C2421.789307,300.512939 2423.036377,298.922821 2424.329834,297.402954
	C2433.928467,286.123840 2441.677734,285.996429 2449.604736,298.438446
	C2465.684326,323.676758 2487.422607,343.050720 2511.248047,360.450073
	C2525.778564,371.061523 2540.334961,381.638519 2554.967041,392.109039
	C2571.555176,403.979370 2580.448975,404.727264 2596.797852,393.533905
	C2635.396729,367.106903 2676.824951,345.731689 2718.080322,323.968781
	C2747.531982,308.432617 2776.775146,292.477325 2805.756348,276.081787
	C2829.715820,262.527252 2851.134033,245.682343 2867.937500,223.503906
	C2869.524414,221.409149 2871.495850,219.561981 2873.487793,217.828430
	C2876.088867,215.564636 2880.687744,216.268616 2882.158203,219.247223
	C2883.615723,222.199448 2884.833252,225.309219 2885.797607,228.459656
	C2894.292969,256.212555 2908.011230,281.322327 2925.811768,304.001831
	C2948.440430,332.833344 2972.238037,360.745239 2995.026855,389.454407
	C3019.468750,420.246796 3044.158203,450.900299 3067.226807,482.711273
	C3096.271484,522.763306 3120.337402,565.738770 3134.396484,614.484192
	C3117.735596,611.229736 3102.265381,607.486511 3087.787109,601.388489
	C3078.248047,597.370728 3069.086182,595.446899 3058.072266,595.506348
	C3054.010254,589.828125 3050.926514,584.910461 3047.555664,578.627319
	C3046.121094,575.636475 3044.724365,574.132629 3043.863770,572.367432
	C3032.456543,548.976562 3017.436523,527.871643 3002.448730,506.747955
	C2975.425537,468.661377 2944.875244,433.398499 2915.018555,397.578705
	C2898.809326,378.132080 2882.905273,358.427704 2866.490967,339.156860
	C2858.933594,330.284363 2853.895508,329.531067 2843.590332,333.923248
	C2840.535889,335.225006 2837.659424,336.944427 2834.706299,338.482025
	C2812.853516,349.860168 2790.825928,360.917267 2769.188232,372.690643
	C2729.420654,394.328674 2689.859375,416.347382 2650.285889,438.339905
	C2646.502930,440.442169 2643.239258,443.479248 2638.498047,447.000763
	C2643.995117,451.179260 2648.057861,454.441406 2652.295898,457.457794
	C2668.033691,468.659302 2683.816406,479.798309 2699.607910,490.924408
	C2709.919434,498.189270 2720.274902,505.391083 2731.251953,513.718445
	C2734.838135,517.769165 2737.783447,520.722534 2738.957031,523.789490
	C2731.414795,523.989319 2725.640381,523.982056 2719.873779,524.188354
	C2714.303955,524.387695 2712.333008,528.191223 2710.201172,532.621826
	C2655.784668,492.054718 2600.404053,455.206238 2544.687500,418.838440
	C2509.523682,395.885986 2475.404297,371.599609 2446.192871,341.075623
	C2443.590332,338.356018 2440.080811,336.503906 2436.399170,333.815521
	C2431.792480,337.966553 2427.934814,341.475983 2424.041016,344.944702
	C2412.130615,355.554779 2400.726074,366.817841 2388.161133,376.587616
	C2370.842773,390.053528 2352.884521,402.739105 2334.773438,415.135040
	C2293.047852,443.693420 2251.094727,471.920410 2209.124512,500.119171
	C2205.994385,502.222321 2201.992676,503.028870 2196.615967,504.338043
	C2190.275146,504.150055 2185.714355,503.976776 2181.154053,503.996002
	C2175.468506,504.019989 2171.033447,501.969482 2169.105957,495.699371
	C2187.257568,482.342285 2204.643555,470.112518 2221.953613,457.776337
	C2226.165283,454.774933 2231.455811,452.510559 2231.613770,445.049164
	C2220.583252,433.070526 2205.018799,426.749298 2190.840820,418.490417
	C2177.072021,410.469574 2162.940186,403.063019 2148.870361,395.569733
	C2134.214111,387.764160 2119.445068,380.169342 2104.717773,372.497192
	C2090.578857,365.131500 2076.552002,357.536865 2062.251709,350.498077
	C2047.543335,343.258423 2034.464722,332.633820 2016.030151,327.623169
	C2013.456421,330.973907 2010.752319,334.724091 2007.815186,338.281982
	C1987.084839,363.393524 1966.406250,388.548798 1945.521973,413.532074
	C1905.862305,460.975769 1866.981934,508.989197 1835.167969,562.243591
	C1833.533325,564.979675 1832.663208,568.172485 1830.363037,571.978516
	C1825.822021,580.048584 1822.354980,587.292664 1817.972412,595.330688
	C1814.623901,600.245972 1812.190918,604.367371 1808.064697,608.368286
	C1788.710083,610.763184 1772.350098,617.562256 1756.032959,624.199463
	C1749.074585,627.029968 1742.336304,628.367920 1734.974731,626.359131
	C1734.961182,623.301880 1734.996704,621.561279 1735.032104,619.820618
z"/>
<path fill="#1649A9" opacity="1.000000" stroke="none"
	d="
M1641.408569,4217.002930
	C1595.454590,4239.352539 1546.486694,4251.564453 1496.427002,4260.100586
	C1448.446899,4268.282227 1400.036743,4272.551758 1351.573242,4276.595215
	C1317.743286,4279.418457 1283.924072,4282.768555 1250.677734,4290.222168
	C1231.080566,4294.615234 1212.096436,4300.516113 1194.752808,4310.939453
	C1193.047119,4311.964355 1191.217285,4312.807129 1189.384155,4313.592285
	C1183.080200,4316.292969 1178.868408,4313.510742 1178.890381,4306.708984
	C1178.892578,4306.042969 1178.878540,4305.369141 1178.971191,4304.712402
	C1184.215698,4267.505371 1176.755981,4231.757324 1166.205322,4196.449219
	C1152.294067,4149.895508 1137.571533,4103.578613 1124.131592,4056.891113
	C1116.589722,4030.692139 1110.623657,4004.020996 1104.603760,3977.413818
	C1102.710571,3969.046387 1098.964844,3964.861328 1090.374390,3963.544922
	C1059.442505,3958.804199 1028.655640,3953.086182 997.682678,3948.656006
	C979.848877,3946.104736 961.793518,3945.992432 944.106628,3950.867676
	C942.823730,3951.221191 941.514648,3951.494385 940.204468,3951.731689
	C920.947815,3955.219727 914.991699,3949.780029 918.785339,3930.968994
	C924.540405,3902.431396 923.489990,3873.923096 919.011169,3845.487061
	C915.490540,3823.134766 910.952454,3800.940674 906.660583,3778.715820
	C906.053711,3775.573242 904.278320,3772.656494 902.856323,3769.176270
	C898.839172,3768.008545 895.119141,3766.575439 891.265869,3765.859863
	C840.079407,3756.353271 790.672668,3740.395508 741.103210,3724.935303
	C711.883606,3715.822021 682.382385,3707.602051 652.946289,3699.195312
	C627.074829,3691.806885 600.719360,3689.043457 573.844543,3691.535889
	C568.693604,3692.013672 563.460449,3691.604736 556.758240,3691.604736
	C557.522095,3686.359375 557.056458,3682.164307 558.733704,3679.169189
	C578.056519,3644.660156 584.964233,3606.978760 588.827881,3568.212646
	C594.573792,3510.561523 600.730225,3452.939453 607.729431,3395.428711
	C615.014771,3335.566895 630.623596,3277.891602 658.163818,3221.368164
	C660.732300,3217.899414 662.036194,3216.424072 664.010437,3216.255371
	C669.911621,3224.300537 675.348022,3230.529053 678.120300,3239.231445
	C681.304443,3249.226807 687.315857,3258.308105 691.944641,3267.861328
	C694.520508,3273.177734 698.566040,3275.963135 704.402344,3277.607422
	C702.903564,3284.717041 701.446472,3290.357178 699.106201,3297.084961
	C696.288391,3305.462891 694.353638,3312.753174 691.708374,3321.402344
	C675.931152,3374.117920 669.718201,3426.996826 664.297302,3479.977539
	C660.163940,3520.374023 656.535950,3560.823730 652.951782,3601.273438
	C652.201660,3609.737793 649.604553,3618.388428 653.482910,3627.139648
	C656.437439,3628.446533 659.361938,3630.099121 662.497253,3631.072021
	C698.085938,3642.118164 733.625977,3653.332031 769.342163,3663.952637
	C803.774536,3674.190918 838.375854,3683.865723 872.965393,3693.565430
	C877.161072,3694.741943 881.744507,3694.535645 886.162964,3694.971680
	C887.258972,3692.012939 888.759644,3690.056152 888.485962,3688.390869
	C882.985962,3654.925293 877.281738,3621.493652 871.889771,3586.693359
	C872.376404,3583.501953 872.591797,3581.671875 874.231323,3579.895264
	C879.197083,3581.372314 883.162109,3582.205566 886.176331,3584.365723
	C890.204773,3587.252686 894.377930,3588.069580 899.520569,3589.448730
	C903.081177,3610.721924 905.570679,3630.511475 909.350403,3650.051514
	C918.677795,3698.272949 928.860535,3746.328369 938.196533,3794.548096
	C945.898010,3834.325928 951.752136,3874.343018 949.323730,3915.097900
	C949.258057,3916.199951 950.405579,3917.374023 951.610535,3919.736328
	C955.367432,3920.047852 959.840576,3920.629883 964.325867,3920.747070
	C973.627991,3920.990479 983.010620,3920.265869 992.229553,3921.212158
	C1027.910400,3924.875244 1063.213257,3931.085693 1098.395752,3937.991455
	C1153.753174,3948.856934 1208.825562,3961.257568 1264.790039,3968.873779
	C1267.289673,3969.213867 1269.617188,3970.819580 1272.130127,3973.196777
	C1275.091431,3978.652100 1277.972046,3982.729492 1280.795898,3986.845947
	C1283.266235,3990.446777 1285.672241,3994.091797 1287.095215,3998.199219
	C1285.402466,3998.988525 1284.721558,3999.295654 1283.447144,3999.247559
	C1282.853638,3998.891846 1281.546997,3999.347412 1280.856934,3998.624023
	C1278.889160,3997.227051 1277.603638,3997.210938 1274.631714,3997.325684
	C1240.870117,3992.865234 1209.281738,3985.514893 1175.541260,3981.342285
	C1176.400146,4003.742920 1183.880981,4023.011719 1189.117676,4042.636719
	C1194.431030,4062.548828 1201.058594,4082.112061 1207.184204,4101.805176
	C1213.310059,4121.499023 1219.174438,4141.284180 1225.804443,4160.808594
	C1232.355225,4180.099121 1235.796387,4200.489258 1244.912720,4219.823242
	C1252.553833,4219.210938 1259.110229,4218.783203 1265.645996,4218.143555
	C1284.855103,4216.264648 1304.027710,4213.937988 1323.265747,4212.442383
	C1374.369263,4208.468262 1425.446167,4204.201660 1476.042725,4195.787598
	C1500.286255,4191.755859 1524.673828,4188.022949 1549.372803,4179.562988
	C1557.879272,4177.121094 1564.941772,4174.599121 1573.388184,4172.109375
	C1579.185303,4171.019043 1583.598633,4169.896973 1588.202637,4170.126953
	C1593.379150,4184.222168 1605.935913,4186.468750 1616.382568,4191.596680
	C1624.635742,4195.647949 1633.351440,4198.903320 1641.153809,4203.670898
	C1645.967163,4206.611816 1650.566528,4208.105469 1655.218018,4208.959961
	C1650.116821,4212.305664 1645.762695,4214.654297 1641.408569,4217.002930
z"/>
<path fill="#1649A9" opacity="1.000000" stroke="none"
	d="
M620.144348,3135.446777
	C618.428101,3134.474121 616.815308,3133.196777 614.980530,3132.572998
	C563.975159,3115.235352 517.852417,3088.674316 475.236115,3056.271240
	C434.929382,3025.624512 395.832306,2993.385742 356.236023,2961.806152
	C340.604248,2949.339111 325.248932,2936.517822 309.432953,2924.290771
	C285.570984,2905.843750 260.167633,2890.125244 230.629074,2882.223145
	C228.707764,2881.709229 226.847092,2880.916748 225.019989,2880.113281
	C219.789017,2877.813477 218.443161,2872.808350 222.108139,2868.933594
	C223.931595,2867.005859 226.029083,2865.320557 228.100891,2863.647217
	C249.652679,2846.243408 266.778900,2824.995850 280.417175,2801.119141
	C295.608337,2774.523682 309.818115,2747.365967 324.369598,2720.406982
	C335.759735,2699.304688 346.583038,2677.883545 358.452393,2657.056641
	C371.970490,2633.336426 386.375793,2610.122070 400.380737,2586.678955
	C403.058197,2582.197510 405.667511,2577.675293 408.715118,2572.478027
	C402.166687,2562.679199 396.116882,2553.180420 389.617249,2544.000000
	C378.453064,2528.231201 367.327545,2512.416992 355.598969,2497.070312
	C341.362762,2478.442627 325.280273,2461.517822 305.054138,2449.213379
	C288.796783,2439.323486 288.652191,2427.832764 305.858124,2418.163818
	C321.642059,2409.293457 335.090149,2396.927734 346.030579,2382.522705
	C364.155792,2358.658447 381.380463,2334.110840 399.036560,2309.888916
	C406.713898,2299.356689 406.199554,2288.926025 399.136475,2278.356201
	C359.423706,2218.927002 329.682434,2153.931152 294.936646,2091.728760
	C287.793152,2078.940430 280.259827,2066.354004 272.484833,2053.938477
	C260.729370,2035.166260 246.370026,2018.590698 229.163300,2004.554688
	C225.130020,2001.264648 220.230499,1998.578735 220.030960,1990.972778
	C222.285156,1989.520508 224.695908,1987.013550 227.565918,1986.263428
	C262.562469,1977.115479 291.980835,1957.815674 319.658691,1935.554565
	C353.936005,1907.985596 387.505188,1879.527222 422.048981,1852.301514
	C448.200378,1831.690186 474.877350,1811.653076 502.261963,1792.722290
	C538.018127,1768.004395 576.620117,1748.445068 620.302185,1733.577393
	C624.487915,1732.700073 626.245300,1732.626465 627.975220,1734.080322
	C623.086365,1750.767212 619.035339,1766.255493 613.062561,1780.963501
	C609.427124,1789.915649 607.415466,1798.568970 607.207031,1809.051514
	C598.607422,1814.497803 590.853333,1818.915161 581.736267,1823.612305
	C543.052185,1843.481445 508.849976,1867.805542 476.142303,1894.139526
	C429.960083,1931.322144 384.408875,1969.288818 338.639587,2006.983154
	C336.143188,2009.039185 334.122559,2011.673096 331.494171,2014.445435
	C333.105621,2018.470337 334.247589,2022.240967 336.043732,2025.668945
	C357.986969,2067.547607 379.848938,2109.471191 402.114868,2151.178467
	C413.403076,2172.322998 425.297729,2193.151123 437.289185,2213.907959
	C440.492798,2219.453369 442.773834,2226.316650 450.237854,2228.248535
	C457.894806,2226.748779 460.069458,2219.743408 463.907104,2214.559326
	C476.556580,2197.471924 489.010895,2180.239502 502.987061,2163.858154
	C509.295990,2169.071777 507.598511,2175.053223 508.105164,2180.468262
	C508.518402,2184.885010 510.814026,2187.169434 514.682739,2189.020020
	C502.140961,2207.745117 489.761353,2225.055664 477.868103,2242.694336
	C454.818359,2276.879150 432.550995,2311.602539 408.988556,2345.426514
	C390.813019,2371.517334 373.989868,2398.912109 347.888245,2418.527832
	C337.564575,2426.286377 333.739136,2438.017090 347.704071,2450.440674
	C350.685577,2453.093018 353.712891,2455.722412 356.445953,2458.620117
	C363.742371,2466.355469 371.584595,2473.707031 377.956757,2482.156250
	C392.362732,2501.258301 406.375153,2520.681885 419.896667,2540.420898
	C448.080231,2581.563232 475.831268,2623.001953 503.784637,2664.302246
	C510.094604,2673.625000 516.504639,2682.879883 521.524414,2692.500488
	C518.937561,2694.195557 517.030212,2695.362549 516.567627,2696.950439
	C514.617310,2703.646729 513.097839,2710.468262 510.239868,2716.534424
	C492.342224,2692.554199 475.671997,2669.249756 458.858643,2646.049072
	C456.327209,2642.555908 453.128174,2639.546631 450.095398,2636.153809
	C433.357513,2657.232422 338.686920,2831.567871 332.028015,2853.614014
	C335.368134,2856.842285 338.904907,2860.719482 342.899017,2864.048096
	C373.109344,2889.222412 403.442169,2914.249512 433.673248,2939.398926
	C472.643555,2971.818115 512.328247,3003.280273 555.767273,3029.625488
	C564.820374,3035.115967 574.463623,3039.633545 584.608154,3045.673828
	C592.824402,3049.627930 598.635742,3056.181152 607.439087,3057.278076
	C607.641968,3058.101562 608.062378,3059.744629 608.040894,3061.453857
	C607.625610,3072.995850 609.216125,3082.094482 613.219116,3091.484375
	C619.002930,3105.051758 625.314636,3118.928223 623.155762,3134.681396
	C621.478882,3135.090576 620.811646,3135.268555 620.144348,3135.446777
z"/>
<path fill="#1649A9" opacity="1.000000" stroke="none"
	d="
M4263.981445,1737.569702
	C4296.730957,1747.549316 4326.406738,1763.968262 4355.408203,1781.661621
	C4390.741699,1803.217651 4423.520020,1828.352783 4455.632324,1854.380249
	C4491.348145,1883.328491 4526.983398,1912.378540 4562.867676,1941.116577
	C4572.729004,1949.013672 4583.054688,1956.427368 4593.705566,1963.218628
	C4608.343750,1972.552490 4623.946289,1980.035522 4640.926270,1984.327515
	C4646.002930,1985.610840 4651.508301,1986.428101 4654.814941,1993.367310
	C4653.516113,1995.368164 4652.363281,1998.644043 4650.059570,2000.466797
	C4618.501953,2025.442017 4597.194824,2058.266113 4578.586426,2093.180908
	C4559.167480,2129.616699 4540.279297,2166.345459 4520.262695,2202.449219
	C4505.744141,2228.637451 4489.775879,2254.022217 4474.420898,2279.745605
	C4472.714844,2282.603760 4470.629883,2285.241943 4469.011230,2288.144043
	C4466.936523,2291.862549 4466.885742,2295.775391 4468.870605,2299.604980
	C4469.481445,2300.782959 4470.241211,2301.887939 4470.981445,2302.994141
	C4489.136719,2330.122803 4506.906250,2357.536377 4528.536133,2382.132812
	C4540.011230,2395.182373 4552.125488,2407.599854 4567.274414,2416.453125
	C4585.328125,2427.003906 4585.206543,2439.896484 4566.792480,2450.604980
	C4548.788574,2461.074219 4534.163086,2476.102051 4521.785645,2492.725098
	C4503.497070,2517.287598 4486.229980,2542.611572 4468.632812,2567.685303
	C4467.548340,2569.230469 4467.379395,2571.418457 4466.583984,2573.944092
	C4467.879883,2576.555176 4469.022949,2579.693848 4470.834473,2582.381592
	C4498.441895,2623.332031 4521.528809,2666.864990 4544.519043,2710.475098
	C4559.422852,2738.746582 4574.668457,2766.845459 4590.237793,2794.755859
	C4605.271973,2821.706543 4623.162598,2846.427246 4648.253906,2865.224854
	C4651.164551,2867.405518 4652.905273,2871.148926 4656.063477,2875.324951
	C4651.049805,2878.083496 4647.385254,2881.076416 4643.211426,2882.238770
	C4614.448242,2890.250244 4589.219238,2905.005127 4566.109375,2923.298828
	C4531.113281,2951.001953 4496.913086,2979.709961 4461.973145,3007.486084
	C4437.472656,3026.963135 4412.736328,3046.201172 4387.331055,3064.468994
	C4348.780762,3092.188965 4307.258789,3114.672607 4260.338379,3131.737793
	C4257.291992,3132.018066 4256.589844,3131.868652 4255.923828,3130.121094
	C4256.768066,3124.052734 4257.125488,3119.441895 4258.466309,3115.136963
	C4263.135254,3100.145508 4268.312988,3085.312012 4272.929688,3070.305664
	C4274.437988,3065.402588 4274.822266,3060.154297 4275.818848,3054.318115
	C4275.917480,3053.572510 4276.066406,3052.075684 4277.369141,3051.922363
	C4284.558594,3048.318115 4290.444824,3044.867188 4297.730469,3041.018799
	C4308.745605,3035.000244 4318.728027,3029.916016 4327.902344,3023.649658
	C4348.757812,3009.404541 4369.990234,2995.545654 4389.685059,2979.798096
	C4439.022949,2940.348389 4487.609863,2899.958984 4536.413086,2859.842285
	C4538.836914,2857.849609 4540.450195,2854.870605 4542.785645,2851.914307
	C4541.026855,2847.875732 4539.683594,2844.173096 4537.869141,2840.717773
	C4515.925781,2798.932373 4494.205078,2757.025879 4471.807129,2715.484619
	C4458.876953,2691.503418 4444.905762,2668.080811 4431.183594,2644.534668
	C4429.369141,2641.421875 4428.279785,2636.729736 4421.908691,2637.319336
	C4408.789551,2655.663574 4395.222656,2674.493164 4381.823730,2693.441650
	C4376.854980,2700.468750 4372.280762,2707.774902 4366.420898,2715.588379
	C4362.415039,2719.268799 4359.514648,2722.314697 4356.424805,2723.547852
	C4356.209961,2712.052490 4356.190918,2702.369141 4351.282227,2692.196289
	C4353.689453,2686.944092 4356.015137,2682.943604 4358.604004,2679.121582
	C4385.793945,2638.984131 4413.260742,2599.032715 4440.180176,2558.715088
	C4467.875000,2517.236084 4495.645020,2475.883301 4532.084473,2441.258057
	C4534.322266,2439.131592 4535.663574,2436.061035 4537.605469,2433.154297
	C4535.486328,2430.404053 4534.166016,2428.060059 4532.279297,2426.336182
	C4502.077148,2398.743652 4478.920410,2365.511475 4456.245117,2331.859863
	C4428.778320,2291.097412 4401.103516,2250.474854 4373.594727,2209.740967
	C4368.806641,2202.651367 4364.391113,2195.310059 4361.112305,2187.390381
	C4367.258301,2183.444824 4368.104980,2178.546143 4368.059082,2173.230713
	C4368.023926,2169.204834 4369.017090,2165.635742 4374.099609,2164.256104
	C4389.120605,2184.427979 4402.935547,2203.985107 4416.938477,2223.406494
	C4419.028809,2226.304932 4422.004395,2228.564453 4424.717285,2231.266113
	C4442.493652,2207.450439 4532.995605,2040.892212 4542.843750,2013.984619
	C4539.308105,2010.718628 4535.615234,2006.993774 4531.603516,2003.651489
	C4503.491211,1980.229004 4475.321289,1956.875244 4447.153809,1933.519165
	C4413.856934,1905.910156 4380.374512,1878.509521 4344.290527,1854.569946
	C4329.944336,1845.051880 4314.761719,1836.795410 4299.171875,1826.888916
	C4291.239746,1822.405884 4284.095703,1818.998535 4276.637695,1814.724609
	C4276.324219,1813.857788 4275.706543,1812.120728 4276.869141,1811.131836
	C4281.387695,1803.684692 4279.926758,1797.428589 4277.648438,1790.990601
	C4274.119141,1781.018921 4271.465332,1770.717285 4267.566406,1760.902954
	C4264.528320,1753.257202 4263.747559,1745.564941 4263.981445,1737.569702
z"/>
<path fill="#92B4F3" opacity="1.000000" stroke="none"
	d="
M4788.337891,2900.712402
	C4789.211426,2914.285645 4785.899902,2924.640625 4777.138184,2933.130859
	C4765.127930,2944.769287 4750.235840,2946.836914 4734.927246,2938.755859
	C4722.917969,2932.416016 4713.900391,2915.022217 4716.962402,2901.502686
	C4721.025879,2883.560547 4731.477539,2866.104492 4757.126953,2868.029541
	C4772.921387,2869.215088 4783.478027,2879.719482 4788.337891,2900.712402
z"/>
<path fill="#92B4F3" opacity="1.000000" stroke="none"
	d="
M2879.968994,139.716888
	C2877.889893,136.043961 2876.395020,133.801270 2875.459473,131.345535
	C2865.829102,106.058075 2881.956299,81.836273 2908.867432,81.066063
	C2924.045166,80.631668 2941.539795,95.679756 2943.670898,111.434601
	C2945.467773,124.718735 2942.549805,136.718399 2931.373047,145.195450
	C2919.149658,154.466370 2905.468506,154.491531 2891.774658,149.227539
	C2887.678223,147.652832 2884.442871,143.837204 2879.968994,139.716888
z"/>
<path fill="#92B4F3" opacity="1.000000" stroke="none"
	d="
M143.345367,2906.931152
	C136.787048,2911.613281 131.682953,2916.431641 125.646301,2918.423340
	C104.288994,2925.468506 81.198265,2907.413330 80.118332,2884.791016
	C79.278305,2867.194336 89.422852,2857.942383 102.877312,2851.042969
	C115.226418,2844.710449 130.790863,2848.327881 141.190094,2858.928223
	C151.943527,2869.889404 155.143677,2882.696045 149.318253,2897.202881
	C148.101730,2900.232422 146.042633,2902.923340 143.345367,2906.931152
z"/>
<path fill="#92B4F3" opacity="1.000000" stroke="none"
	d="
M3728.239258,4371.891113
	C3741.522461,4366.067871 3751.599365,4371.644043 3761.387695,4377.146484
	C3770.183350,4382.091309 3773.368164,4391.176270 3775.233154,4400.327637
	C3779.452637,4421.029785 3765.476562,4438.732422 3744.294922,4440.202148
	C3743.634521,4440.248047 3742.971191,4440.251465 3742.309326,4440.275391
	C3723.145996,4440.961914 3712.295410,4434.213867 3706.858398,4418.228516
	C3700.948730,4400.854980 3706.015137,4385.977539 3721.585449,4375.219727
	C3723.207275,4374.098633 3725.085449,4373.349121 3728.239258,4371.891113
z"/>
<path fill="#92B4F3" opacity="1.000000" stroke="none"
	d="
M4372.273438,1131.240479
	C4372.386719,1111.386230 4381.208496,1099.626953 4398.745117,1094.459229
	C4417.750977,1088.858521 4438.842285,1101.409058 4443.145508,1120.854614
	C4446.887695,1137.763550 4436.497559,1156.312744 4419.341309,1162.130615
	C4402.597656,1167.808350 4385.083496,1162.453003 4376.864258,1145.937866
	C4374.820801,1141.830566 4373.810059,1137.208984 4372.273438,1131.240479
z"/>
<path fill="#92B4F3" opacity="1.000000" stroke="none"
	d="
M4431.490234,3762.393311
	C4430.359375,3766.459717 4429.637207,3769.059082 4428.456543,3771.429932
	C4419.193359,3790.030029 4403.440430,3796.977051 4383.785156,3791.235107
	C4368.008789,3786.626221 4358.575684,3771.897705 4359.985352,3754.076416
	C4361.263184,3737.929688 4373.215332,3725.512695 4389.295410,3723.626953
	C4415.776855,3720.522217 4430.107422,3733.095459 4431.490234,3762.393311
z"/>
<path fill="#92B4F3" opacity="1.000000" stroke="none"
	d="
M1138.628784,427.903992
	C1161.691650,435.893372 1169.396729,446.371216 1168.097290,465.883972
	C1167.043457,481.710846 1156.432251,493.664093 1139.817261,497.740356
	C1126.395386,501.033264 1109.517456,493.517731 1102.347656,481.055511
	C1088.405640,456.822296 1102.858276,429.926422 1131.007446,427.768036
	C1132.993408,427.615753 1135.002930,427.772003 1138.628784,427.903992
z"/>
<path fill="#92B4F3" opacity="1.000000" stroke="none"
	d="
M90.781448,1980.400391
	C81.620361,1959.454834 84.285423,1946.207642 100.050835,1933.752319
	C109.142944,1926.568970 119.246445,1922.488770 131.288544,1927.489502
	C144.398895,1932.933838 154.015152,1941.284058 156.002777,1955.901489
	C158.908340,1977.269409 148.313232,1994.368164 121.751884,1998.025391
	C114.601959,1999.009888 107.324829,1996.216919 101.530289,1991.362183
	C98.001541,1988.405762 94.939888,1984.891846 90.781448,1980.400391
z"/>
<path fill="#92B4F3" opacity="1.000000" stroke="none"
	d="
M1958.269409,91.317207
	C1961.738892,87.886612 1964.032349,85.483307 1966.600830,83.423004
	C1979.524780,73.056442 1995.455322,73.685562 2007.538208,84.974533
	C2009.467896,86.777458 2011.352051,88.644684 2013.108887,90.614510
	C2024.968262,103.911705 2024.222534,117.975121 2015.682617,132.539719
	C2007.948486,145.729736 1991.417114,151.625977 1975.847168,147.352936
	C1961.418945,143.393265 1952.023071,130.952927 1951.523193,114.918892
	C1951.274292,106.935143 1951.321167,98.956177 1958.269409,91.317207
z"/>
<path fill="#92B4F3" opacity="1.000000" stroke="none"
	d="
M1948.411133,4781.565430
	C1943.628052,4777.592773 1939.813599,4774.783203 1936.864502,4771.251465
	C1927.418701,4759.939453 1926.131836,4747.789062 1932.455811,4734.154297
	C1938.900269,4720.260254 1950.494873,4714.134277 1964.244629,4713.939453
	C1978.957275,4713.729980 1991.019897,4720.456055 1997.309326,4735.181152
	C2007.436890,4758.892090 1988.858276,4786.613281 1965.465454,4784.440430
	C1960.217529,4783.953125 1955.004761,4783.088867 1948.411133,4781.565430
z"/>
<path fill="#92B4F3" opacity="1.000000" stroke="none"
	d="
M445.623810,1094.275391
	C450.639618,1088.862183 454.415955,1083.931641 459.348480,1080.854248
	C472.179169,1072.849365 489.263000,1075.101929 502.119934,1085.586670
	C511.736481,1093.428955 515.824036,1111.071045 511.072296,1124.224731
	C506.921387,1135.715088 490.905945,1147.313721 478.696167,1147.672241
	C465.554260,1148.057861 450.654419,1138.470459 445.299988,1126.351929
	C440.780823,1116.123779 440.027344,1105.916016 445.623810,1094.275391
z"/>
<path fill="#92B4F3" opacity="1.000000" stroke="none"
	d="
M4775.022461,2012.619507
	C4767.787598,2014.316895 4761.981934,2016.195190 4756.186035,2016.166138
	C4738.051758,2016.075073 4726.107910,2004.999512 4722.729004,1986.089233
	C4719.939941,1970.479614 4729.434082,1954.354614 4744.980957,1948.296265
	C4758.208496,1943.141724 4774.280762,1946.146973 4782.978027,1957.126953
	C4800.683105,1979.480103 4799.629395,1982.854492 4785.363281,2004.165771
	C4783.248535,2007.324829 4779.467285,2009.368286 4775.022461,2012.619507
z"/>
<path fill="#92B4F3" opacity="1.000000" stroke="none"
	d="
M2910.774414,4728.698242
	C2923.227783,4740.843750 2925.583252,4754.077637 2919.301758,4768.148926
	C2913.868652,4780.319824 2903.198242,4787.356445 2890.836914,4791.612305
	C2888.432373,4792.440918 2885.261719,4792.723633 2882.953857,4791.874023
	C2870.910156,4787.442383 2859.443848,4781.383789 2853.627930,4769.429199
	C2843.776611,4749.179688 2857.724609,4723.256348 2879.549072,4720.178711
	C2890.473633,4718.638184 2900.835449,4720.227539 2910.774414,4728.698242
z"/>
<path fill="#92B4F3" opacity="1.000000" stroke="none"
	d="
M3749.761719,439.850830
	C3756.031494,439.655365 3760.811035,438.892365 3765.240723,439.813477
	C3770.236328,440.852325 3775.674072,442.426056 3779.609375,445.464233
	C3802.061768,462.796234 3797.957520,485.980865 3780.951416,501.292847
	C3770.161865,511.007446 3757.553467,509.985199 3745.456543,506.227234
	C3733.254395,502.436676 3725.891357,492.924133 3723.893311,480.083954
	C3720.972412,461.311615 3728.692383,448.803925 3749.761719,439.850830
z"/>
<path fill="#92B4F3" opacity="1.000000" stroke="none"
	d="
M498.796997,3723.264160
	C499.722839,3729.386475 500.438690,3734.000732 500.316711,3738.592529
	C499.841339,3756.486084 488.871429,3769.552002 472.563049,3772.040039
	C453.856873,3774.893799 437.582306,3765.543457 431.664520,3748.542480
	C424.229919,3727.184326 439.369843,3705.117920 461.827789,3703.217285
	C478.259460,3701.826660 489.999298,3707.867920 498.796997,3723.264160
z"/>
<path fill="#92B4F3" opacity="1.000000" stroke="none"
	d="
M1141.000244,4416.407227
	C1131.485474,4426.588379 1120.854492,4429.182129 1108.995728,4427.961914
	C1092.890869,4426.304199 1081.436279,4413.996582 1079.489136,4397.777344
	C1076.733887,4374.825195 1092.071533,4362.171387 1107.580078,4357.942871
	C1125.415161,4353.079590 1148.682617,4371.781738 1148.498657,4386.650391
	C1148.373291,4396.778809 1148.630127,4406.666992 1141.000244,4416.407227
z"/>
<path fill="#103F9A" opacity="1.000000" stroke="none"
	d="
M4262.969238,1736.884521
	C4263.747559,1745.564941 4264.528320,1753.257202 4267.566406,1760.902954
	C4271.465332,1770.717285 4274.119141,1781.018921 4277.648438,1790.990601
	C4279.926758,1797.428589 4281.387695,1803.684692 4275.958984,1811.234131
	C4273.886719,1812.325439 4272.097168,1812.720581 4271.181641,1812.148804
	C4269.553711,1811.473755 4268.841797,1811.370605 4267.337891,1810.266602
	C4261.770508,1807.463013 4256.995117,1805.660400 4251.239746,1802.844971
	C4241.448730,1798.738159 4232.637695,1795.644165 4223.639648,1791.971191
	C4223.453613,1791.392090 4222.996582,1790.264648 4223.251953,1788.526123
	C4223.125488,1782.196045 4223.524902,1777.365479 4222.206543,1773.061157
	C4219.099121,1762.915894 4215.676758,1752.799438 4211.399902,1743.103882
	C4208.580566,1736.711182 4207.788086,1730.411743 4209.508301,1723.529663
	C4212.628418,1723.204102 4214.410645,1723.052246 4217.683105,1723.392822
	C4231.348633,1726.812134 4243.523926,1729.739014 4255.698730,1732.666016
	C4257.784668,1733.843872 4259.871094,1735.021606 4262.969238,1736.884521
z"/>
<path fill="#123E92" opacity="1.000000" stroke="none"
	d="
M4172.349121,1583.998169
	C4179.541504,1583.528687 4185.261719,1585.496948 4188.358887,1592.765869
	C4192.225098,1601.838379 4196.201172,1610.876953 4200.516602,1619.741821
	C4204.143066,1627.192383 4205.157227,1636.589233 4216.130859,1640.284546
	C4217.198730,1642.191528 4216.757324,1643.833984 4215.087891,1647.528198
	C4209.196777,1658.315674 4204.534180,1667.051147 4198.750488,1676.439941
	C4193.399414,1682.635986 4189.169434,1688.178711 4184.311523,1692.318115
	C4177.440430,1677.293945 4170.981934,1663.765869 4165.037109,1650.016235
	C4161.668457,1642.225098 4156.034180,1639.301025 4148.100098,1638.701416
	C4149.359375,1634.259155 4150.501465,1631.085571 4152.490234,1626.794067
	C4158.042969,1614.411255 4162.749023,1603.146240 4168.083984,1590.906250
	C4169.924805,1587.953491 4171.137207,1585.975830 4172.349121,1583.998169
z"/>
<path fill="#123E92" opacity="1.000000" stroke="none"
	d="
M3059.050293,596.266968
	C3069.086182,595.446899 3078.248047,597.370728 3087.787109,601.388489
	C3102.265381,607.486511 3117.735596,611.229736 3134.343262,615.999573
	C3135.901855,616.025940 3137.010254,616.417908 3137.697266,618.222290
	C3141.932373,633.269714 3145.480225,646.512817 3148.628174,660.807251
	C3148.015381,662.577881 3147.802490,663.297119 3146.006836,664.013428
	C3133.617188,664.100891 3124.139648,659.537231 3114.593262,655.345398
	C3103.717773,650.570007 3092.680664,646.784363 3079.757324,646.830566
	C3074.345459,635.289124 3069.711670,624.955139 3064.833496,613.256348
	C3062.743164,606.683289 3060.896729,601.475098 3059.050293,596.266968
z"/>
<path fill="#E6E8EB" opacity="1.000000" stroke="none"
	d="
M4255.888184,3131.719238
	C4256.589844,3131.868652 4257.291992,3132.018066 4259.037109,3132.432617
	C4253.663574,3149.177246 4247.636719,3165.822510 4240.711914,3182.085205
	C4234.817871,3195.928467 4227.889160,3209.331055 4220.163086,3223.652344
	C4215.527832,3219.100586 4212.147461,3213.825439 4207.517090,3206.457031
	C4203.700195,3199.522217 4201.132812,3194.680664 4199.353027,3188.468994
	C4208.581543,3174.136963 4215.694336,3160.673096 4217.613281,3144.203125
	C4231.328125,3139.709473 4243.607910,3135.714355 4255.888184,3131.719238
z"/>
<path fill="#E6E8EB" opacity="1.000000" stroke="none"
	d="
M3149.028320,659.755859
	C3145.480225,646.512817 3141.932373,633.269714 3138.241211,618.445190
	C3145.058838,618.465942 3152.259033,619.403931 3158.929932,621.809692
	C3172.489258,626.699524 3185.916260,632.034058 3199.100098,637.859192
	C3208.046143,641.811768 3216.485596,646.911316 3226.557861,651.736206
	C3223.037598,655.030823 3218.111328,658.087280 3211.180176,662.480713
	C3203.662109,666.680237 3198.148926,669.542786 3191.026611,672.239380
	C3181.915283,672.936646 3175.468506,669.945190 3169.035889,666.669861
	C3162.704834,663.446289 3156.604980,659.425171 3149.028320,659.755859
z"/>
<path fill="#E6E8EB" opacity="1.000000" stroke="none"
	d="
M3138.115723,4255.900879
	C3137.992920,4250.420898 3139.309570,4244.738281 3141.437988,4236.502930
	C3144.339600,4226.670898 3146.429199,4219.391602 3150.124268,4212.091797
	C3158.937500,4212.242676 3165.728516,4211.119629 3172.403564,4207.883301
	C3181.100098,4203.666992 3190.120361,4199.920410 3201.335938,4200.211914
	C3205.618408,4201.669434 3208.682861,4202.856934 3211.747314,4204.043945
	C3216.717285,4207.224121 3221.687256,4210.404297 3227.358643,4214.654297
	C3223.587158,4225.113770 3213.928955,4227.271973 3205.700684,4230.622070
	C3183.867920,4239.511230 3161.631348,4247.407227 3138.115723,4255.900879
z"/>
<path fill="#E6E8EB" opacity="1.000000" stroke="none"
	d="
M4199.871094,1675.786621
	C4204.534180,1667.051147 4209.196777,1658.315674 4214.948730,1648.800537
	C4221.998047,1648.070557 4225.952637,1651.172974 4228.082031,1656.479980
	C4237.312988,1679.483032 4246.445801,1702.525269 4255.537598,1725.583496
	C4255.993164,1726.738525 4255.731934,1728.176514 4255.751465,1731.074219
	C4243.523926,1729.739014 4231.348633,1726.812134 4217.625977,1721.925171
	C4215.417969,1717.432739 4214.984863,1714.814087 4214.058594,1712.382935
	C4209.399902,1700.157227 4204.612793,1687.980469 4199.871094,1675.786621
z"/>
<path fill="#E6E8EB" opacity="1.000000" stroke="none"
	d="
M620.133179,3137.030273
	C620.811646,3135.268555 621.478882,3135.090576 624.557861,3135.346191
	C637.900024,3138.849365 648.830505,3141.918701 659.832886,3146.434082
	C662.728455,3155.666504 665.615051,3163.430664 668.354858,3171.246094
	C670.376953,3177.014404 674.390503,3180.927490 679.121826,3185.185059
	C673.593201,3195.963379 668.466736,3205.456055 663.340149,3214.948730
	C662.036194,3216.424072 660.732300,3217.899414 658.598755,3219.953125
	C653.092102,3219.089844 649.751892,3216.064697 647.953125,3211.583496
	C638.721252,3188.584473 629.561951,3165.556396 620.450684,3142.509277
	C619.991821,3141.348877 620.215942,3139.918213 620.133179,3137.030273
z"/>
<path fill="#E6E8EB" opacity="1.000000" stroke="none"
	d="
M1642.955811,4217.857422
	C1645.762695,4214.654297 1650.116821,4212.305664 1656.599365,4208.726562
	C1666.999023,4202.882812 1675.270264,4198.270020 1684.018066,4195.144043
	C1685.217163,4197.682129 1685.711548,4199.303711 1686.697266,4199.698242
	C1700.186646,4205.094238 1712.019653,4214.558594 1727.544189,4217.629395
	C1731.093750,4228.666016 1734.131592,4238.280273 1737.169434,4247.894043
	C1737.010376,4248.578613 1736.851440,4249.263672 1736.407715,4250.964844
	C1722.169434,4253.707520 1711.045654,4245.377441 1698.901367,4241.051758
	C1685.994263,4236.454590 1673.773193,4229.958984 1661.136963,4224.562988
	C1655.743042,4222.259277 1650.056519,4220.641113 1642.955811,4217.857422
z"/>
<path fill="#E6E8EB" opacity="1.000000" stroke="none"
	d="
M628.002747,1732.552734
	C626.245300,1732.626465 624.487915,1732.700073 621.406555,1732.674805
	C627.549255,1702.904907 638.920288,1674.862549 656.363159,1648.133057
	C658.977783,1649.042725 660.256409,1650.615112 662.688843,1654.055786
	C668.929138,1664.968872 674.015625,1674.013428 677.617798,1683.637451
	C666.106567,1695.096191 662.389587,1708.658813 658.327515,1723.201416
	C647.255981,1726.660034 637.629395,1729.606445 628.002747,1732.552734
z"/>
<path fill="#E6E8EB" opacity="1.000000" stroke="none"
	d="
M1733.452881,619.842834
	C1734.996704,621.561279 1734.961182,623.301880 1734.080688,627.497498
	C1730.927246,638.531067 1728.618896,647.109741 1724.799072,655.744324
	C1719.397217,656.152039 1715.131226,655.597290 1711.686157,657.024353
	C1701.007568,661.447998 1690.640991,666.625122 1679.050293,671.214478
	C1676.049927,669.647095 1674.152344,668.375122 1671.800415,666.228394
	C1670.343506,664.313782 1669.133667,663.933167 1666.472656,663.776001
	C1659.691650,660.792236 1654.154297,658.244141 1648.616943,655.696106
	C1648.616943,655.696106 1648.098145,653.958618 1647.843994,653.088135
	C1669.495850,639.867065 1692.960938,631.036072 1716.373657,622.160522
	C1721.144775,620.351868 1726.686890,620.577332 1733.452881,619.842834
z"/>
<path fill="#8DB0F2" opacity="1.000000" stroke="none"
	d="
M3584.619141,893.741455
	C3590.199463,895.617981 3595.653809,898.493591 3601.379639,899.214783
	C3652.157227,905.610657 3702.072998,916.769165 3752.338135,925.996155
	C3791.500488,933.184998 3830.680176,940.328247 3869.991455,946.621460
	C3881.696289,948.495178 3893.873291,947.387512 3905.831543,947.725952
	C3910.999512,947.872192 3916.161621,948.221191 3922.315918,948.527405
	C3922.936523,953.851624 3924.057617,958.326172 3923.880615,962.748596
	C3922.216064,1004.293945 3929.842529,1044.777466 3937.678467,1085.226562
	C3947.397705,1135.397461 3957.407715,1185.511963 3967.103760,1235.687134
	C3969.495605,1248.063110 3971.159424,1260.579468 3973.881348,1276.178467
	C3976.889404,1309.710938 3979.234863,1340.092041 3981.432373,1370.483643
	C3982.530273,1385.665527 3983.358643,1400.866699 3984.046387,1417.849121
	C3983.000977,1455.420044 3979.975098,1491.024902 3975.417969,1526.510620
	C3974.664551,1532.378174 3973.972656,1538.253540 3972.790039,1545.359131
	C3971.289795,1549.878418 3970.251709,1553.163818 3967.738281,1556.233032
	C3959.052246,1554.533691 3955.182373,1549.364624 3951.723145,1543.405884
	C3929.710205,1505.486572 3906.201172,1468.597778 3880.825928,1432.750732
	C3856.672607,1398.629883 3832.621338,1364.517700 3806.166992,1332.135742
	C3801.555908,1326.491699 3797.419189,1320.458618 3792.770996,1314.847534
	C3779.667236,1299.028198 3766.721191,1283.060181 3753.104736,1267.689453
	C3744.282959,1257.731079 3734.564697,1248.536255 3724.852051,1239.420898
	C3722.679443,1237.382324 3718.851074,1237.107910 3715.774902,1234.555420
	C3716.971924,1227.414307 3718.178711,1221.738892 3720.123535,1214.751709
	C3725.699707,1196.199829 3730.789795,1179.024536 3735.231689,1161.683105
	C3736.688232,1155.997437 3736.970215,1149.871460 3736.861328,1143.963989
	C3736.753906,1138.155640 3732.219238,1134.237549 3726.320312,1134.282959
	C3722.381592,1134.313354 3718.361084,1134.839233 3714.530273,1135.771851
	C3700.997803,1139.066284 3687.455078,1142.365967 3674.063721,1146.180786
	C3663.944580,1149.063477 3654.050049,1152.735474 3642.715332,1156.008911
	C3639.593262,1155.994385 3637.811523,1156.027222 3635.894531,1154.676392
	C3633.170654,1149.528198 3631.151123,1145.157593 3627.897461,1142.100708
	C3610.982422,1126.206299 3594.184326,1110.138672 3576.510986,1095.112793
	C3558.885254,1080.127319 3539.822021,1066.832153 3522.201172,1051.841431
	C3497.419434,1030.758545 3470.663574,1012.426147 3444.119629,993.788513
	C3406.646729,967.477234 3368.239258,942.587952 3328.300293,920.148438
	C3320.783447,915.925049 3316.005127,910.200684 3315.678711,901.119690
	C3317.692383,900.358521 3318.824951,899.875305 3321.542480,899.389221
	C3346.235596,896.703003 3369.226318,893.495239 3392.298340,891.058411
	C3409.431396,889.248901 3426.670410,888.439636 3445.710938,887.552856
	C3474.721436,889.039490 3501.884033,890.136597 3529.044434,891.284058
	C3547.570801,892.066711 3566.094238,892.919800 3584.619141,893.741455
z"/>
<path fill="#D8E4FB" opacity="1.000000" stroke="none"
	d="
M4003.910645,1287.936768
	C4001.554443,1274.881714 3999.146729,1261.835815 3996.853760,1248.769775
	C3992.834961,1225.873535 3988.864502,1202.968872 3984.952637,1180.054321
	C3984.631348,1178.171753 3984.910156,1176.186646 3984.910156,1174.254639
	C3990.663330,1169.907104 3996.424316,1172.052246 4002.102539,1173.682617
	C4037.208252,1183.762207 4072.388916,1193.594360 4107.372559,1204.081299
	C4141.087891,1214.187866 4174.593262,1224.991211 4208.196289,1235.471191
	C4210.732422,1236.262085 4213.394043,1236.705933 4215.854492,1237.674316
	C4221.891602,1240.050171 4223.897949,1243.210327 4223.246094,1250.109253
	C4221.870117,1264.661255 4220.149902,1279.180542 4218.727051,1293.728516
	C4216.526855,1316.213501 4214.306641,1338.698364 4212.360840,1361.206299
	C4208.066895,1410.878540 4202.991699,1460.444580 4192.245605,1509.227051
	C4189.248047,1522.834595 4185.576172,1536.293335 4179.902344,1550.765503
	C4169.803223,1547.145264 4165.748535,1539.529663 4162.025879,1531.880981
	C4142.905762,1492.595947 4121.127441,1454.850220 4097.348633,1418.210815
	C4088.724854,1404.922974 4081.336670,1390.828003 4072.604248,1377.616943
	C4054.407227,1350.086914 4035.741699,1322.865479 4017.135010,1295.608521
	C4014.058838,1291.102539 4009.783447,1287.965698 4003.910645,1287.936768
z"/>
<path fill="#D8E4FB" opacity="1.000000" stroke="none"
	d="
M3591.385010,868.381897
	C3589.749268,868.312134 3588.113525,868.242432 3585.116699,866.431396
	C3580.052734,860.124268 3577.076172,854.589294 3572.513184,851.172180
	C3558.245117,840.485962 3543.640137,830.195007 3528.682373,820.496399
	C3505.422607,805.414978 3482.084473,790.403931 3458.204102,776.340576
	C3417.754883,752.519775 3376.937988,729.318420 3336.073975,706.213379
	C3328.568848,701.969849 3321.077393,698.010071 3315.160645,691.624512
	C3333.013916,686.687378 3350.655518,680.709351 3368.763184,677.022034
	C3411.141846,668.392395 3454.059814,663.319336 3497.154541,659.592285
	C3534.249268,656.384155 3571.278809,652.429749 3608.348877,648.929504
	C3614.870605,648.313721 3621.450195,648.309326 3628.419922,648.004395
	C3630.720215,652.261414 3633.201172,655.473328 3634.307129,659.104126
	C3654.257080,724.593506 3674.095215,790.117188 3693.792236,855.683044
	C3696.248779,863.859619 3697.770508,872.317078 3700.013184,881.872009
	C3695.120850,883.111938 3691.424072,885.143555 3688.041504,884.712524
	C3674.864502,883.033264 3661.791504,880.545532 3648.671387,878.410706
	C3633.583740,875.955872 3618.487305,873.556396 3600.840820,869.906250
	C3595.986328,868.580322 3593.685547,868.481079 3591.385010,868.381897
z"/>
<path fill="#C6D2E7" opacity="1.000000" stroke="none"
	d="
M4003.222656,1287.898071
	C4009.783447,1287.965698 4014.058838,1291.102539 4017.135010,1295.608521
	C4035.741699,1322.865479 4054.407227,1350.086914 4072.604248,1377.616943
	C4081.336670,1390.828003 4088.724854,1404.922974 4097.348633,1418.210815
	C4121.127441,1454.850220 4142.905762,1492.595947 4162.025879,1531.880981
	C4165.748535,1539.529663 4169.803223,1547.145264 4178.983398,1551.934814
	C4177.708984,1561.780396 4175.040527,1571.401855 4172.360352,1582.510742
	C4171.137207,1585.975830 4169.924805,1587.953491 4166.715820,1590.738281
	C4158.571289,1590.360229 4156.545898,1585.226562 4154.280273,1580.448730
	C4133.788086,1537.241943 4109.845215,1495.909912 4085.277588,1454.968750
	C4066.538818,1423.741455 4046.731934,1393.148926 4027.051514,1362.498047
	C4022.822021,1355.910889 4018.015137,1349.146973 4008.750977,1346.083740
	C4005.966553,1325.445923 4003.570557,1306.541260 4001.174316,1287.636475
	C4001.174316,1287.636475 4002.534424,1287.859375 4003.222656,1287.898071
z"/>
<path fill="#0E3580" opacity="1.000000" stroke="none"
	d="
M3192.635498,672.405273
	C3198.148926,669.542786 3203.662109,666.680237 3210.489746,663.537170
	C3212.096924,667.534851 3213.762939,670.872437 3217.879395,672.777405
	C3225.718506,676.405457 3233.480469,680.201294 3241.324219,683.819092
	C3247.954590,686.877197 3254.978271,689.245850 3261.186279,692.984924
	C3264.205078,694.803345 3265.757568,699.056580 3267.563232,704.406067
	C3266.053467,707.289734 3264.857666,707.673340 3262.866699,707.804871
	C3261.228760,708.107849 3260.483398,708.635193 3258.783447,710.210388
	C3254.437012,712.805481 3251.238770,714.626709 3246.688232,716.608398
	C3236.812256,721.686768 3228.288330,726.604797 3218.393311,731.748535
	C3207.378906,738.702576 3197.735596,745.430786 3187.059082,752.117615
	C3185.335938,752.071533 3184.646484,752.066895 3183.803955,750.628540
	C3182.703857,744.067932 3179.138428,741.298279 3174.677734,739.467224
	C3155.185791,731.465454 3135.777100,723.241150 3116.102295,715.714661
	C3110.092285,713.415710 3103.328369,713.087219 3096.346680,711.654541
	C3095.783447,711.452881 3094.634521,711.118958 3094.408203,709.544067
	C3091.838135,700.029846 3094.073486,691.087097 3088.781250,682.228027
	C3085.723877,671.121033 3082.764648,661.558228 3079.981445,651.004883
	C3080.282959,649.355591 3080.408936,648.696777 3080.534912,648.038025
	C3092.680664,646.784363 3103.717773,650.570007 3114.593262,655.345398
	C3124.139648,659.537231 3133.617188,664.100891 3146.546875,665.525391
	C3149.701416,672.194336 3150.685303,677.358521 3151.777344,682.499695
	C3152.927246,687.913086 3151.098633,694.171204 3156.154541,699.559265
	C3169.114014,690.800598 3181.674561,682.719666 3192.635498,672.405273
z"/>
<path fill="#C6D2E7" opacity="1.000000" stroke="none"
	d="
M3313.681885,691.571655
	C3321.077393,698.010071 3328.568848,701.969849 3336.073975,706.213379
	C3376.937988,729.318420 3417.754883,752.519775 3458.204102,776.340576
	C3482.084473,790.403931 3505.422607,805.414978 3528.682373,820.496399
	C3543.640137,830.195007 3558.245117,840.485962 3572.513184,851.172180
	C3577.076172,854.589294 3580.052734,860.124268 3583.949707,866.035400
	C3582.321045,867.605957 3580.498047,867.831299 3576.044922,867.943542
	C3571.650146,867.851807 3569.885010,867.873169 3566.969238,867.188965
	C3561.377686,866.156189 3556.936523,865.829041 3550.839355,865.033569
	C3543.500488,863.864685 3537.817627,863.164124 3531.895508,861.173401
	C3529.497559,857.463806 3527.729004,854.463196 3525.120850,852.714966
	C3499.318115,835.420288 3473.654297,817.893555 3447.405518,801.295837
	C3412.677490,779.336670 3377.305908,758.450562 3340.471436,740.100708
	C3322.676025,731.235352 3305.297852,721.512146 3287.943359,711.797974
	C3284.690186,709.977112 3282.444092,706.357361 3279.733398,703.567749
	C3290.556641,699.551453 3301.379883,695.535156 3313.681885,691.571655
z"/>
<path fill="#B3BED3" opacity="1.000000" stroke="none"
	d="
M3278.300293,703.595703
	C3282.444092,706.357361 3284.690186,709.977112 3287.943359,711.797974
	C3305.297852,721.512146 3322.676025,731.235352 3340.471436,740.100708
	C3377.305908,758.450562 3412.677490,779.336670 3447.405518,801.295837
	C3473.654297,817.893555 3499.318115,835.420288 3525.120850,852.714966
	C3527.729004,854.463196 3529.497559,857.463806 3530.232666,861.514709
	C3511.250244,861.819031 3493.690918,860.491882 3475.916016,857.834595
	C3473.108643,853.655090 3470.961182,850.134583 3467.847412,848.074707
	C3455.700928,840.039734 3443.330078,832.333252 3430.892090,824.752319
	C3407.712402,810.624512 3384.831543,795.938416 3361.086426,782.823975
	C3329.727051,765.504272 3297.657959,749.469666 3265.889160,732.891907
	C3261.768066,730.741455 3257.547119,728.772888 3253.503418,726.488220
	C3249.684814,724.330750 3248.342041,720.623840 3248.040527,716.447998
	C3251.238770,714.626709 3254.437012,712.805481 3259.530762,710.416748
	C3262.532471,709.553528 3263.245605,708.855591 3263.565430,707.755371
	C3264.857666,707.673340 3266.053467,707.289734 3267.779785,705.897949
	C3271.227295,704.668823 3274.047119,704.146240 3278.300293,703.595703
z"/>
<path fill="#133B86" opacity="1.000000" stroke="none"
	d="
M3999.899658,1287.747314
	C4003.570557,1306.541260 4005.966553,1325.445923 4008.401855,1347.778809
	C4009.645752,1368.799072 4010.850586,1386.391357 4011.722412,1405.697266
	C4010.900391,1414.309082 4010.411377,1421.207397 4008.685791,1427.830933
	C4004.907471,1425.652344 4002.034668,1424.059326 3999.893799,1421.779175
	C3995.569092,1417.172485 3990.407227,1415.502930 3984.308838,1416.059204
	C3983.358643,1400.866699 3982.530273,1385.665527 3981.432373,1370.483643
	C3979.234863,1340.092041 3976.889404,1309.710938 3974.636719,1277.450684
	C3980.299316,1275.778809 3984.432373,1278.713135 3988.553711,1282.313477
	C3991.373535,1284.776611 3995.231201,1286.051758 3999.899658,1287.747314
z"/>
<path fill="#133B86" opacity="1.000000" stroke="none"
	d="
M3476.131836,859.164673
	C3493.690918,860.491882 3511.250244,861.819031 3530.472168,862.804871
	C3537.817627,863.164124 3543.500488,863.864685 3551.892334,865.859436
	C3559.107666,867.400574 3563.614014,867.647583 3568.120117,867.894531
	C3569.885010,867.873169 3571.650146,867.851807 3574.689941,868.218018
	C3575.793945,873.676880 3576.792969,878.252136 3580.151123,882.400757
	C3582.007812,884.694824 3582.813965,887.839050 3584.356445,892.170654
	C3566.094238,892.919800 3547.570801,892.066711 3529.044434,891.284058
	C3501.884033,890.136597 3474.721436,889.039490 3445.714355,886.137939
	C3442.497314,880.787720 3440.995361,877.263855 3439.787354,873.642029
	C3438.376953,869.413818 3437.222656,865.100037 3437.746094,860.440186
	C3451.733887,859.759583 3463.932861,859.462158 3476.131836,859.164673
z"/>
<path fill="#B3BED3" opacity="1.000000" stroke="none"
	d="
M3592.289307,869.142700
	C3593.685547,868.481079 3595.986328,868.580322 3599.161621,869.467102
	C3597.755371,870.137634 3595.474609,870.020508 3592.289307,869.142700
z"/>
<path fill="#8DB0F2" opacity="1.000000" stroke="none"
	d="
M3973.331055,3595.829834
	C3958.628418,3673.594727 3943.660645,3751.310791 3929.386963,3829.154297
	C3925.189453,3852.047607 3922.598145,3875.253906 3923.530029,3898.699707
	C3923.787842,3905.183105 3925.311768,3912.001709 3920.965332,3919.260010
	C3918.501709,3919.790039 3915.386230,3921.043457 3912.270996,3921.043945
	C3859.353027,3921.050537 3807.804932,3930.722412 3756.317383,3941.809814
	C3716.677490,3950.345947 3676.624512,3956.964111 3636.751709,3964.416016
	C3629.557617,3965.760498 3622.345947,3967.012451 3611.902344,3968.660156
	C3587.000732,3971.544678 3565.327148,3973.979492 3543.681885,3976.644775
	C3530.620117,3978.253174 3517.602539,3980.219971 3503.113770,3981.683350
	C3497.791992,3981.934814 3493.921143,3982.528564 3488.504883,3982.177490
	C3464.786865,3981.226807 3442.614746,3981.220459 3418.666992,3980.862305
	C3407.266113,3980.365479 3397.641113,3980.221191 3387.158203,3979.757324
	C3386.300537,3979.437744 3384.470459,3979.477783 3383.315430,3978.638184
	C3377.439453,3977.556396 3372.718262,3977.313965 3366.322510,3976.762695
	C3348.410645,3973.747070 3331.692139,3973.741699 3316.051270,3966.339355
	C3316.875244,3962.434814 3316.970703,3959.203857 3318.632080,3957.678467
	C3322.514893,3954.114990 3326.934082,3950.997314 3331.512939,3948.351074
	C3374.632812,3923.428711 3416.242920,3896.173340 3456.948975,3867.513428
	C3467.792969,3859.878418 3478.833496,3852.484619 3489.294922,3844.352051
	C3510.739990,3827.680420 3532.038330,3810.808350 3553.045654,3793.590332
	C3569.946045,3779.738525 3586.317383,3765.241943 3602.948242,3751.060791
	C3609.495605,3745.478027 3616.083496,3739.941895 3622.704834,3734.447510
	C3629.401611,3728.891113 3636.440186,3723.595459 3638.041260,3713.908691
	C3647.761963,3716.004150 3655.911865,3717.833984 3665.240234,3720.548828
	C3681.696045,3725.495361 3696.929199,3729.733887 3712.274658,3733.517090
	C3717.320801,3734.761230 3722.656494,3735.285156 3727.861816,3735.299561
	C3732.824219,3735.313232 3736.571045,3731.422852 3736.934082,3726.520264
	C3737.173584,3723.283691 3737.213623,3719.840088 3736.381348,3716.747803
	C3730.915527,3696.438232 3725.187744,3676.198730 3719.528809,3654.480957
	C3718.345703,3647.350342 3717.179688,3641.675781 3717.400391,3635.864502
	C3724.447754,3634.519043 3727.794922,3630.430420 3730.888916,3626.019775
	C3733.166016,3622.773193 3735.095703,3619.191162 3737.804688,3616.354980
	C3751.993408,3601.498779 3766.952637,3587.462891 3779.425781,3570.910156
	C3793.342773,3552.441406 3809.059570,3535.339111 3823.305176,3517.104492
	C3837.549072,3498.871826 3851.459717,3480.331299 3864.593506,3461.289062
	C3886.780273,3429.120605 3908.479980,3396.608154 3929.892334,3363.917969
	C3939.281006,3349.584717 3947.571533,3334.523193 3956.125000,3319.656982
	C3959.083740,3314.514648 3963.228271,3311.979004 3969.709717,3312.521484
	C3971.167725,3315.568848 3971.884521,3317.744141 3972.418457,3321.589355
	C3976.516602,3349.455811 3980.293701,3375.695557 3981.335693,3402.282227
	C3981.932617,3417.519287 3983.274658,3432.727295 3983.936768,3449.749756
	C3982.568848,3499.814697 3979.210693,3547.911865 3973.331055,3595.829834
z"/>
<path fill="#D8E4FB" opacity="1.000000" stroke="none"
	d="
M4182.085938,3319.014648
	C4193.421875,3353.911621 4199.693359,3389.923340 4203.826172,3426.199463
	C4209.690918,3477.673340 4214.062012,3529.316162 4219.295410,3580.864014
	C4220.231445,3590.080811 4222.574219,3599.147949 4223.702637,3608.353271
	C4225.475098,3622.810059 4221.599121,3630.336670 4207.460938,3633.730225
	C4138.952148,3650.174316 4073.478027,3676.947021 4004.804443,3692.765137
	C3984.292969,3697.489502 3983.705322,3697.000732 3987.409912,3675.331787
	C3992.446045,3645.874756 3997.333496,3616.391846 4004.327637,3585.325195
	C4008.663818,3582.516846 4011.720215,3581.876709 4013.129639,3580.000244
	C4024.635254,3564.680420 4036.448242,3549.535400 4046.989990,3533.559814
	C4065.931396,3504.854736 4084.716553,3476.004639 4102.349121,3446.487549
	C4123.733398,3410.688965 4145.665527,3375.145264 4163.436523,3337.302979
	C4164.846191,3334.300537 4166.572754,3331.440674 4167.875977,3328.396240
	C4170.575195,3322.088135 4175.936523,3319.998047 4182.085938,3319.014648
z"/>
<path fill="#D8E4FB" opacity="1.000000" stroke="none"
	d="
M3603.891846,3995.371582
	C3624.889893,3992.276855 3645.902100,3989.274170 3666.879639,3986.047119
	C3676.707275,3984.535645 3686.468018,3982.591309 3697.609863,3980.602295
	C3698.035156,3984.161621 3699.278320,3987.343506 3698.601807,3990.044189
	C3692.949951,4012.606689 3687.563477,4035.265381 3680.920898,4057.544189
	C3666.103516,4107.241699 3650.625488,4156.742676 3635.344482,4206.301270
	C3634.176514,4210.088379 3632.439941,4213.700195 3631.152100,4216.930664
	C3625.200195,4221.261719 3619.128174,4219.485840 3613.286621,4218.955078
	C3572.881592,4215.283203 3532.479248,4211.574707 3492.091064,4207.723145
	C3440.421143,4202.794922 3388.967285,4196.418457 3338.503174,4183.754883
	C3334.641113,4182.785645 3330.869873,4181.454102 3325.619629,4178.290039
	C3323.789062,4170.579102 3327.736816,4168.267578 3331.992432,4165.994629
	C3349.538574,4156.621582 3367.186768,4147.423828 3384.508057,4137.648438
	C3412.197754,4122.020996 3440.291992,4106.979004 3467.061768,4089.884277
	C3504.972412,4065.675049 3542.575439,4040.914551 3578.896973,4014.309570
	C3583.852051,4010.679688 3588.095215,4006.563232 3588.611328,3999.370361
	C3589.316406,3999.008545 3590.858887,3999.367188 3592.055420,3999.629395
	C3595.420898,3999.067627 3597.589844,3998.243408 3600.792725,3996.908936
	C3602.515137,3996.056152 3603.203613,3995.713867 3603.891846,3995.371582
z"/>
<path fill="#0D3585" opacity="1.000000" stroke="none"
	d="
M3213.172363,4203.827148
	C3208.682861,4202.856934 3205.618408,4201.669434 3200.687256,4199.028320
	C3191.782471,4192.741699 3184.832520,4187.772949 3177.682617,4183.111328
	C3170.312256,4178.305664 3164.433350,4170.890137 3153.938477,4168.125488
	C3152.004639,4183.819824 3150.261719,4197.966309 3148.518799,4212.112793
	C3146.429199,4219.391602 3144.339600,4226.670898 3141.362305,4235.028320
	C3129.445068,4234.979492 3119.777832,4239.528809 3109.763184,4243.082031
	C3096.704102,4247.715332 3083.377930,4251.596191 3068.851807,4254.251465
	C3071.667725,4240.470215 3075.798828,4228.239258 3080.795654,4214.799316
	C3084.181641,4203.831543 3086.701904,4194.071777 3090.080078,4183.140137
	C3092.907959,4173.288086 3094.877930,4164.608398 3098.386230,4155.934570
	C3104.431641,4155.091309 3109.151855,4154.828613 3113.405029,4153.281250
	C3125.821777,4148.763672 3138.089844,4143.826660 3150.342285,4138.871582
	C3158.917236,4135.403320 3167.382324,4131.662109 3175.875000,4127.992676
	C3181.308350,4125.645020 3183.912354,4121.338867 3185.255859,4115.532715
	C3186.968018,4115.500000 3187.652588,4115.463867 3189.308350,4116.361328
	C3200.085693,4123.728516 3209.891357,4130.162109 3220.479980,4137.719727
	C3231.416504,4143.424316 3241.570068,4148.005371 3252.252686,4153.345703
	C3253.741211,4154.891113 3254.783447,4155.546387 3256.325439,4157.240234
	C3259.103516,4158.524902 3261.464600,4158.639648 3265.019531,4159.408203
	C3269.446045,4161.717773 3272.677979,4163.373535 3275.909912,4165.029297
	C3275.603027,4170.098145 3272.942139,4173.539551 3268.498779,4175.748535
	C3262.638184,4178.662109 3256.731689,4181.487793 3250.926025,4184.507812
	C3238.788086,4190.820801 3226.703613,4197.236328 3213.172363,4203.827148
z"/>
<path fill="#0E3580" opacity="1.000000" stroke="none"
	d="
M4198.564941,3189.839355
	C4201.132812,3194.680664 4203.700195,3199.522217 4206.617676,3205.686035
	C4200.547852,3208.991699 4198.666016,3214.837402 4196.046875,3219.986572
	C4189.854492,3232.160645 4183.727051,3244.368652 4177.661621,3256.606445
	C4175.495117,3260.976562 4172.734375,3264.260010 4164.854980,3263.196533
	C4161.488281,3260.391846 4160.564941,3258.215820 4159.519531,3254.635986
	C4154.213379,3243.506104 4149.029785,3233.780029 4143.602539,3222.698730
	C4136.909668,3211.556885 4130.461426,3201.770264 4123.661621,3190.744629
	C4120.603516,3185.116699 4117.896973,3180.727783 4116.687500,3176.109375
	C4125.147461,3174.778320 4127.597168,3169.191650 4130.009277,3163.733887
	C4134.000977,3154.702881 4138.498535,3145.810303 4141.507324,3136.449707
	C4146.118652,3122.102295 4155.121094,3109.223389 4156.844238,3093.066650
	C4159.679199,3091.481445 4161.573730,3090.441406 4164.703125,3089.572266
	C4167.551270,3089.395020 4169.163574,3089.046631 4171.429688,3089.228271
	C4173.496094,3089.224365 4174.909180,3088.690430 4177.733398,3088.191895
	C4183.464355,3086.915039 4187.785156,3085.602783 4193.637207,3084.277344
	C4202.142578,3082.843994 4209.116699,3081.423584 4217.149414,3080.936523
	C4218.481934,3084.403320 4219.612305,3087.219238 4218.885254,3089.422119
	C4215.370605,3100.068115 4211.179199,3110.488770 4207.577637,3121.108154
	C4204.839844,3129.179688 4202.626953,3137.429199 4198.891602,3146.189941
	C4191.937500,3147.427979 4186.272461,3148.075928 4179.333008,3148.404297
	C4175.997070,3149.313477 4173.935547,3150.541748 4172.058594,3153.152588
	C4181.016602,3166.303223 4189.791016,3178.071289 4198.564941,3189.839355
z"/>
<path fill="#C6D2E7" opacity="1.000000" stroke="none"
	d="
M3587.906494,3999.732178
	C3588.095215,4006.563232 3583.852051,4010.679688 3578.896973,4014.309570
	C3542.575439,4040.914551 3504.972412,4065.675049 3467.061768,4089.884277
	C3440.291992,4106.979004 3412.197754,4122.020996 3384.508057,4137.648438
	C3367.186768,4147.423828 3349.538574,4156.621582 3331.992432,4165.994629
	C3327.736816,4168.267578 3323.789062,4170.579102 3324.166504,4177.703613
	C3312.993164,4175.717285 3301.836182,4172.316406 3289.405273,4166.763672
	C3287.728271,4159.027832 3291.317871,4156.448242 3295.657471,4154.165039
	C3317.881348,4142.472168 3340.088623,4130.746094 3362.218994,4118.878418
	C3369.773438,4114.827148 3377.124512,4110.390625 3384.503418,4106.020508
	C3406.644775,4092.907471 3428.936523,4080.035400 3450.827148,4066.514648
	C3475.524414,4051.260254 3499.757080,4035.254883 3524.403076,4019.915527
	C3530.286865,4016.253662 3532.388428,4011.500000 3533.830566,4004.700684
	C3553.001221,4002.794678 3570.453857,4001.263428 3587.906494,3999.732178
z"/>
<path fill="#B3BED3" opacity="1.000000" stroke="none"
	d="
M3532.112793,4005.075684
	C3532.388428,4011.500000 3530.286865,4016.253662 3524.403076,4019.915527
	C3499.757080,4035.254883 3475.524414,4051.260254 3450.827148,4066.514648
	C3428.936523,4080.035400 3406.644775,4092.907471 3384.503418,4106.020508
	C3377.124512,4110.390625 3369.773438,4114.827148 3362.218994,4118.878418
	C3340.088623,4130.746094 3317.881348,4142.472168 3295.657471,4154.165039
	C3291.317871,4156.448242 3287.728271,4159.027832 3288.139648,4166.051758
	C3284.910889,4166.709961 3281.674072,4165.929199 3277.173584,4165.088867
	C3272.677979,4163.373535 3269.446045,4161.717773 3264.275391,4158.607422
	C3260.193848,4156.791992 3258.051025,4156.431152 3255.908203,4156.070801
	C3254.783447,4155.546387 3253.741211,4154.891113 3252.458008,4151.893066
	C3253.890869,4146.982422 3255.114746,4143.581543 3257.529053,4141.749023
	C3261.173340,4138.982422 3265.655518,4137.323730 3269.768799,4135.170898
	C3297.897217,4120.446289 3326.166748,4105.982910 3354.095459,4090.888672
	C3371.554688,4081.452881 3388.651855,4071.316162 3405.637207,4061.040527
	C3427.710205,4047.687500 3449.441162,4033.770020 3471.482422,4020.363281
	C3476.399170,4017.372559 3479.935303,4014.063232 3481.525879,4007.709961
	C3486.190430,4006.836182 3489.294189,4006.268799 3493.974121,4006.182861
	C3507.737549,4006.134521 3519.925049,4005.605225 3532.112793,4005.075684
z"/>
<path fill="#C6D2E7" opacity="1.000000" stroke="none"
	d="
M4181.880859,3317.518066
	C4175.936523,3319.998047 4170.575195,3322.088135 4167.875977,3328.396240
	C4166.572754,3331.440674 4164.846191,3334.300537 4163.436523,3337.302979
	C4145.665527,3375.145264 4123.733398,3410.688965 4102.349121,3446.487549
	C4084.716553,3476.004639 4065.931396,3504.854736 4046.989990,3533.559814
	C4036.448242,3549.535400 4024.635254,3564.680420 4013.129639,3580.000244
	C4011.720215,3581.876709 4008.663818,3582.516846 4004.941895,3583.842285
	C4003.183838,3583.270752 4002.854248,3582.587158 4002.660889,3579.251953
	C4004.841797,3560.424072 4006.886719,3544.247314 4010.354980,3528.048340
	C4016.857666,3527.999023 4020.500488,3525.727539 4023.301025,3521.444824
	C4035.242676,3503.181152 4047.249512,3484.958740 4059.387695,3466.824951
	C4089.333496,3422.086670 4116.511719,3375.759766 4140.356445,3327.467529
	C4145.898926,3316.242432 4152.643066,3305.616211 4158.549316,3294.562500
	C4161.530762,3288.983887 4166.107910,3287.560791 4171.834961,3288.027100
	C4175.115234,3297.358398 4178.395508,3306.689941 4181.880859,3317.518066
z"/>
<path fill="#BAC5D9" opacity="1.000000" stroke="none"
	d="
M4171.833984,3286.604492
	C4166.107910,3287.560791 4161.530762,3288.983887 4158.549316,3294.562500
	C4152.643066,3305.616211 4145.898926,3316.242432 4140.356445,3327.467529
	C4116.511719,3375.759766 4089.333496,3422.086670 4059.387695,3466.824951
	C4047.249512,3484.958740 4035.242676,3503.181152 4023.301025,3521.444824
	C4020.500488,3525.727539 4016.857666,3527.999023 4010.057129,3526.405762
	C4009.409668,3513.825684 4010.483154,3502.865723 4012.996094,3491.812988
	C4021.662354,3490.162354 4025.237305,3484.750488 4028.580811,3478.813232
	C4032.799805,3471.321777 4037.445312,3464.070801 4041.902832,3456.713379
	C4060.406738,3426.172363 4079.668213,3396.058594 4097.196777,3364.967529
	C4114.438965,3334.384521 4129.918457,3302.807861 4146.179688,3271.671631
	C4148.328125,3267.557861 4150.133301,3263.178467 4152.867676,3259.493896
	C4154.220703,3257.670898 4157.328125,3257.150146 4159.641602,3256.040039
	C4160.564941,3258.215820 4161.488281,3260.391846 4163.404297,3263.218018
	C4166.875977,3270.972900 4169.354980,3278.077393 4171.833984,3286.604492
z"/>
<path fill="#133B86" opacity="1.000000" stroke="none"
	d="
M4011.556641,3491.905762
	C4010.483154,3502.865723 4009.409668,3513.825684 4008.633789,3526.428223
	C4006.886719,3544.247314 4004.841797,3560.424072 4002.131836,3578.243896
	C3995.851074,3581.749023 3990.478027,3583.910889 3987.291992,3589.445312
	C3984.825195,3593.730713 3981.102295,3596.019043 3974.682617,3595.824951
	C3979.210693,3547.911865 3982.568848,3499.814697 3985.325439,3449.750488
	C3991.872803,3448.235107 3995.507568,3446.036377 3999.112061,3443.019775
	C4002.444336,3440.230713 4006.449219,3438.245117 4010.740234,3436.932129
	C4011.666504,3438.664551 4012.010742,3439.370605 4012.117676,3441.911133
	C4011.772461,3459.799072 4011.664551,3475.852295 4011.556641,3491.905762
z"/>
<path fill="#123E92" opacity="1.000000" stroke="none"
	d="
M3533.830566,4004.700684
	C3519.925049,4005.605225 3507.737549,4006.134521 3494.654053,4005.163086
	C3497.171631,3996.355713 3504.565674,3991.037109 3504.564941,3982.025391
	C3517.602539,3980.219971 3530.620117,3978.253174 3543.681885,3976.644775
	C3565.327148,3973.979492 3587.000732,3971.544678 3610.295898,3969.169189
	C3610.646973,3973.525146 3609.466064,3977.759277 3608.051758,3981.913818
	C3606.832031,3985.496094 3605.346924,3988.987549 3603.935547,3993.945312
	C3603.203613,3995.713867 3602.515137,3996.056152 3599.619873,3996.617676
	C3595.228516,3997.680420 3593.043701,3998.523926 3590.858887,3999.367188
	C3590.858887,3999.367188 3589.316406,3999.008545 3588.611328,3999.370361
	C3570.453857,4001.263428 3553.001221,4002.794678 3533.830566,4004.700684
z"/>
<path fill="#8DB0F2" opacity="1.000000" stroke="none"
	d="
M899.195068,1280.153442
	C901.707214,1266.461914 904.155762,1252.758301 906.742737,1239.080933
	C916.977173,1184.971191 927.620300,1130.935425 937.370605,1076.738892
	C942.654114,1047.371216 946.641907,1017.762573 950.763977,988.199890
	C951.764465,981.024536 950.997681,973.601379 951.023560,966.292053
	C951.042053,961.083069 951.027161,955.873962 951.027161,949.918701
	C956.002686,948.860657 959.742676,947.299316 963.439392,947.395935
	C1007.601013,948.550293 1050.758789,941.161438 1093.660034,932.023804
	C1154.679443,919.027100 1215.833008,906.837402 1280.709106,897.470947
	C1310.093750,894.469116 1336.425781,892.149109 1362.789551,890.272217
	C1381.887573,888.912537 1401.027344,888.140503 1421.965820,887.395508
	C1457.581055,888.090881 1491.176758,891.018860 1524.642212,895.664429
	C1532.461182,896.749817 1540.327637,897.493835 1549.501587,898.912354
	C1555.282227,900.777710 1559.733398,902.125671 1564.007202,904.911377
	C1562.074463,909.045471 1560.935303,912.707703 1558.465210,914.283569
	C1540.617798,925.669678 1522.606323,936.809631 1504.448242,947.696167
	C1462.984375,972.555420 1423.276855,999.980042 1384.842651,1029.260132
	C1361.736328,1046.863037 1338.700195,1064.566284 1315.948608,1082.622681
	C1304.568115,1091.654541 1293.924927,1101.612793 1282.893066,1111.087646
	C1275.384277,1117.536743 1267.324951,1123.418091 1260.339111,1130.383179
	C1252.564453,1138.134521 1241.560913,1143.567017 1238.941528,1156.423950
	C1237.975586,1156.623901 1236.132568,1157.330811 1234.851807,1156.791992
	C1231.738037,1156.028442 1229.905273,1155.803711 1227.030762,1154.569092
	C1206.864258,1148.266724 1187.755859,1142.913086 1168.603516,1137.721802
	C1163.499390,1136.338501 1158.307861,1135.083374 1153.073975,1134.411499
	C1139.963013,1132.728149 1134.874023,1138.079224 1136.216431,1151.652344
	C1136.281494,1152.311523 1136.281006,1152.990723 1136.448975,1153.624146
	C1142.358887,1175.920776 1146.281494,1198.791626 1155.642578,1221.551514
	C1156.842651,1228.651001 1158.033081,1234.293579 1157.802734,1239.958740
	C1147.856201,1239.789429 1143.475098,1246.294067 1138.658325,1251.539185
	C1129.266602,1261.766113 1120.159180,1272.276611 1111.349731,1283.010986
	C1095.005127,1302.926880 1078.669800,1322.863159 1062.860718,1343.203003
	C1042.583252,1369.291870 1022.036926,1395.231445 1003.063232,1422.257935
	C982.522156,1451.516968 963.496704,1481.849487 944.136414,1511.923828
	C935.538757,1525.279541 927.593079,1539.065063 919.649109,1552.827148
	C916.101440,1558.973267 910.806763,1560.307373 903.983398,1558.767578
	C902.359070,1554.387695 901.219727,1551.190308 900.258545,1546.259766
	C894.876526,1507.190430 890.717529,1469.733154 890.429260,1431.923462
	C890.409607,1429.341797 889.393311,1426.767822 889.531738,1422.435059
	C890.427490,1417.378784 890.718384,1414.080322 890.823242,1410.776123
	C891.746338,1381.679810 891.188049,1352.533203 895.222839,1323.561523
	C897.224792,1309.186523 897.912720,1294.628662 899.195068,1280.153442
z"/>
<path fill="#D8E4FB" opacity="1.000000" stroke="none"
	d="
M1292.025513,869.039307
	C1270.335449,871.954651 1248.619629,874.693726 1226.966919,877.864624
	C1217.112305,879.307922 1207.430908,881.925659 1197.579468,883.400391
	C1191.196411,884.355957 1184.643188,886.974487 1177.272461,883.225281
	C1174.605469,877.881592 1176.266357,872.139404 1177.890869,866.499329
	C1187.640259,832.649841 1197.220459,798.748657 1207.334351,765.007874
	C1217.641235,730.623474 1228.468018,696.394653 1239.152222,662.124207
	C1240.507202,657.777466 1242.375610,653.590637 1243.691040,650.152954
	C1251.250732,646.461487 1257.932251,648.238159 1264.447754,648.829651
	C1305.506958,652.557617 1346.573242,656.234070 1387.591431,660.379578
	C1443.190063,665.998657 1498.607544,672.845886 1554.017090,689.670532
	C1555.505005,690.933044 1555.791870,692.373291 1555.684204,693.761963
	C1554.441406,701.300293 1549.264893,703.187134 1544.592529,705.689026
	C1527.650879,714.760803 1511.037842,724.506409 1493.744385,732.843628
	C1476.340332,741.234253 1460.494751,752.068848 1444.037476,761.956726
	C1427.585205,771.841675 1410.951538,781.432495 1394.654663,791.566223
	C1377.824707,802.031311 1361.076660,812.661194 1344.715210,823.837402
	C1329.438354,834.272888 1314.738403,845.551392 1299.734009,856.388794
	C1295.918457,859.144592 1296.048950,863.123230 1294.930908,867.570801
	C1293.312622,868.378174 1292.669067,868.708740 1292.025513,869.039307
z"/>
<path fill="#D8E4FB" opacity="1.000000" stroke="none"
	d="
M692.457886,1547.942871
	C684.129211,1525.383667 680.148682,1501.773926 676.065430,1478.239380
	C667.536133,1429.079834 663.333679,1379.419922 659.444031,1329.721802
	C657.837463,1309.194946 655.178772,1288.752197 653.180054,1268.253540
	C652.350037,1259.740601 651.994629,1251.181519 651.379395,1241.985474
	C670.588196,1232.113037 691.040649,1228.942017 710.315735,1222.445068
	C729.823303,1215.869751 749.538696,1209.906250 769.198792,1203.789673
	C788.225037,1197.870239 807.197205,1191.742310 826.376160,1186.357666
	C845.985046,1180.852173 865.307373,1173.787598 884.934753,1172.121582
	C890.462830,1177.917114 888.627258,1183.389771 887.784851,1188.446533
	C882.872803,1217.932251 877.719177,1247.377808 870.819824,1278.619873
	C867.432617,1281.557983 865.506042,1282.431030 864.367737,1283.910522
	C845.830322,1308.004150 828.080139,1332.625244 811.618225,1358.231934
	C786.919495,1396.650879 761.571472,1434.639526 740.297668,1475.145508
	C734.142639,1486.864868 727.461670,1498.308472 720.995972,1509.864258
	C715.213867,1520.198486 709.367432,1530.496948 703.607666,1540.843628
	C701.149597,1545.259155 697.591309,1547.801147 692.457886,1547.942871
z"/>
<path fill="#C6D2E7" opacity="1.000000" stroke="none"
	d="
M1295.905762,867.093933
	C1296.048950,863.123230 1295.918457,859.144592 1299.734009,856.388794
	C1314.738403,845.551392 1329.438354,834.272888 1344.715210,823.837402
	C1361.076660,812.661194 1377.824707,802.031311 1394.654663,791.566223
	C1410.951538,781.432495 1427.585205,771.841675 1444.037476,761.956726
	C1460.494751,752.068848 1476.340332,741.234253 1493.744385,732.843628
	C1511.037842,724.506409 1527.650879,714.760803 1544.592529,705.689026
	C1549.264893,703.187134 1554.441406,701.300293 1556.955322,693.567871
	C1559.169067,691.798157 1560.004028,691.611267 1560.838989,691.424438
	C1566.310547,692.879639 1571.781982,694.334839 1579.745361,696.465698
	C1586.851807,699.389648 1591.466431,701.638062 1595.899902,705.303223
	C1594.659058,712.807678 1589.758423,714.983154 1585.011597,717.470520
	C1558.638550,731.290161 1532.350220,745.272217 1505.951294,759.042297
	C1473.109375,776.173157 1441.815186,795.903503 1410.514893,815.621948
	C1399.339600,822.662231 1388.317505,829.951965 1377.348511,837.311096
	C1369.693237,842.447144 1361.974854,847.564392 1354.876343,853.408630
	C1352.790527,855.125793 1352.726807,859.299011 1350.032471,862.755310
	C1340.178955,863.923706 1332.029297,864.683411 1322.587158,865.075439
	C1317.927002,865.625427 1314.559326,866.543152 1309.656982,867.359558
	C1304.050171,867.203552 1299.978027,867.148743 1295.905762,867.093933
z"/>
<path fill="#BFCBDF" opacity="1.000000" stroke="none"
	d="
M703.388733,1588.068481
	C702.264099,1583.630493 701.139526,1579.192383 701.461548,1573.218262
	C708.538269,1570.382812 712.227966,1566.598755 714.723511,1561.744141
	C724.420471,1542.880981 733.885437,1523.898560 743.585510,1505.036987
	C746.307678,1499.743896 749.446838,1494.656250 752.558594,1489.574707
	C756.696716,1482.817017 761.254639,1476.304321 765.151978,1469.414795
	C769.078613,1462.473633 771.971436,1454.930542 776.087402,1448.116577
	C800.428772,1407.820190 827.090698,1369.027344 853.199097,1329.877686
	C856.583862,1324.802246 860.533936,1320.324341 867.584839,1321.629639
	C866.386292,1338.185669 864.898865,1353.056030 862.058838,1368.097656
	C853.410156,1370.832153 848.688904,1376.462524 844.824646,1382.621826
	C832.898071,1401.632324 820.949036,1420.645020 809.660461,1440.036133
	C789.065613,1475.413330 768.735779,1510.949219 748.716858,1546.655273
	C740.700012,1560.954224 733.924377,1575.944458 726.305664,1590.474243
	C724.175903,1594.536011 721.437866,1598.458130 718.223633,1601.694092
	C716.685059,1603.242798 713.382751,1603.039429 710.138062,1602.392334
	C707.394104,1596.792847 705.391418,1592.430664 703.388733,1588.068481
z"/>
<path fill="#CCD8ED" opacity="1.000000" stroke="none"
	d="
M867.296021,1319.943848
	C860.533936,1320.324341 856.583862,1324.802246 853.199097,1329.877686
	C827.090698,1369.027344 800.428772,1407.820190 776.087402,1448.116577
	C771.971436,1454.930542 769.078613,1462.473633 765.151978,1469.414795
	C761.254639,1476.304321 756.696716,1482.817017 752.558594,1489.574707
	C749.446838,1494.656250 746.307678,1499.743896 743.585510,1505.036987
	C733.885437,1523.898560 724.420471,1542.880981 714.723511,1561.744141
	C712.227966,1566.598755 708.538269,1570.382812 701.492310,1571.828125
	C697.484680,1564.912354 694.892883,1557.850342 692.379456,1549.365723
	C697.591309,1547.801147 701.149597,1545.259155 703.607666,1540.843628
	C709.367432,1530.496948 715.213867,1520.198486 720.995972,1509.864258
	C727.461670,1498.308472 734.142639,1486.864868 740.297668,1475.145508
	C761.571472,1434.639526 786.919495,1396.650879 811.618225,1358.231934
	C828.080139,1332.625244 845.830322,1308.004150 864.367737,1283.910522
	C865.506042,1282.431030 867.432617,1281.557983 870.319824,1280.174561
	C871.738464,1282.988770 871.829773,1286.031372 871.720337,1292.082886
	C870.111755,1303.375732 868.703857,1311.659790 867.296021,1319.943848
z"/>
<path fill="#103C8D" opacity="1.000000" stroke="none"
	d="
M702.054565,1588.310791
	C705.391418,1592.430664 707.394104,1596.792847 709.790161,1603.638916
	C714.341858,1613.677856 718.500305,1621.233032 723.032349,1630.102539
	C727.485352,1638.318115 731.564758,1645.219360 735.581665,1653.142700
	C735.473022,1654.845947 735.426880,1655.526978 734.203613,1656.858032
	C729.999268,1661.726685 726.415466,1665.657837 724.058899,1670.222534
	C718.883362,1680.247314 714.612305,1690.742065 709.358459,1700.721802
	C707.640015,1703.986206 704.024780,1706.251831 700.216309,1708.313232
	C692.471191,1699.454102 685.786682,1691.256104 679.102173,1683.058105
	C674.015625,1674.013428 668.929138,1664.968872 663.583862,1654.572021
	C672.132690,1636.965820 680.804688,1620.636230 689.821594,1604.499268
	C692.952942,1598.895264 693.888855,1591.664917 702.054565,1588.310791
z"/>
<path fill="#133B86" opacity="1.000000" stroke="none"
	d="
M867.584839,1321.629639
	C868.703857,1311.659790 870.111755,1303.375732 871.965332,1293.590454
	C876.368896,1289.972412 880.688721,1288.322510 884.186035,1285.611572
	C887.930481,1282.708984 891.356323,1279.794678 897.808228,1280.143555
	C897.912720,1294.628662 897.224792,1309.186523 895.222839,1323.561523
	C891.188049,1352.533203 891.746338,1381.679810 890.823242,1410.776123
	C890.718384,1414.080322 890.427490,1417.378784 888.326172,1422.451172
	C883.048889,1426.049438 879.670593,1427.880371 876.287292,1429.702026
	C872.332458,1431.831543 868.373169,1433.952637 864.075684,1434.331543
	C863.356079,1424.324341 862.976624,1416.062866 862.916992,1406.022461
	C863.295044,1392.137939 863.353210,1380.032104 863.411377,1367.926392
	C864.898865,1353.056030 866.386292,1338.185669 867.584839,1321.629639
z"/>
<path fill="#133B86" opacity="1.000000" stroke="none"
	d="
M1294.930908,867.570801
	C1299.978027,867.148743 1304.050171,867.203552 1310.990723,867.660767
	C1317.199097,867.189819 1320.539429,866.316467 1323.879639,865.443115
	C1332.029297,864.683411 1340.178955,863.923706 1351.675293,863.100220
	C1371.330078,861.961853 1387.638306,860.887329 1405.651611,860.154358
	C1414.255249,860.914307 1421.153687,861.332764 1428.024902,863.120605
	C1426.892456,867.384766 1426.410400,870.790100 1424.547485,873.064209
	C1421.075928,877.301819 1419.702271,881.825439 1420.148560,887.106445
	C1401.027344,888.140503 1381.887573,888.912537 1362.789551,890.272217
	C1336.425781,892.149109 1310.093750,894.469116 1281.971802,896.557678
	C1279.891602,891.751648 1281.917969,888.008789 1285.247925,884.794678
	C1288.935059,881.235779 1292.194580,877.426880 1292.026367,870.439209
	C1292.669067,868.708740 1293.312622,868.378174 1294.930908,867.570801
z"/>
<path fill="#123E92" opacity="1.000000" stroke="none"
	d="
M1596.080933,703.886475
	C1591.466431,701.638062 1586.851807,699.389648 1581.166016,696.428162
	C1582.876099,685.619934 1591.977905,682.383728 1599.857544,678.321838
	C1614.940552,670.546753 1630.405884,663.513489 1647.164795,655.934204
	C1654.154297,658.244141 1659.691650,660.792236 1666.948242,664.638550
	C1669.630859,667.040588 1670.826660,667.429321 1672.254883,667.103149
	C1674.152344,668.375122 1676.049927,669.647095 1679.382080,672.116577
	C1680.816772,673.314087 1681.508789,675.108215 1680.118164,675.752808
	C1663.272705,683.567261 1647.819702,690.741577 1632.361694,697.904907
	C1626.311401,700.708618 1620.162598,703.408997 1618.634033,711.449341
	C1610.181763,708.857849 1603.131348,706.372131 1596.080933,703.886475
z"/>
<path fill="#9BB8F0" opacity="1.000000" stroke="none"
	d="
M1560.128174,690.690063
	C1560.004028,691.611267 1559.169067,691.798157 1557.062988,692.179199
	C1555.791870,692.373291 1555.505005,690.933044 1555.510742,690.199219
	C1556.816650,689.628845 1558.117065,689.792297 1560.128174,690.690063
z"/>
<path fill="#8DB0F2" opacity="1.000000" stroke="none"
	d="
M2707.175537,4338.965820
	C2704.821777,4340.158203 2702.220703,4341.023926 2700.150391,4342.590820
	C2650.194336,4380.404297 2597.899902,4414.798828 2545.471924,4449.027832
	C2510.301025,4471.989746 2476.190186,4496.408691 2446.888672,4526.883301
	C2444.236328,4529.641113 2440.714600,4531.563477 2437.074219,4534.261230
	C2433.956787,4532.015137 2431.010742,4530.437500 2428.745117,4528.177734
	C2398.882080,4498.385254 2364.952637,4473.879395 2329.972900,4450.524414
	C2279.583008,4416.879883 2229.781494,4382.354004 2177.572998,4346.779785
	C2170.598145,4342.032227 2165.802490,4338.675293 2160.951904,4335.398926
	C2157.756592,4333.240234 2154.146973,4331.574707 2151.299316,4329.040527
	C2132.679199,4312.469238 2114.261719,4295.669922 2095.665039,4279.072266
	C2091.884766,4275.698242 2088.844482,4270.785156 2082.348145,4269.921875
	C2077.249512,4264.118652 2072.433350,4259.778809 2067.673828,4255.377441
	C2065.313232,4253.194336 2062.917236,4251.022949 2060.772949,4248.634766
	C2043.729004,4229.652344 2026.741577,4210.619629 2009.132324,4190.307617
	C1994.254028,4171.054199 1979.181885,4153.656250 1970.832642,4132.622559
	C1976.620850,4132.578125 1980.775635,4131.998535 1984.518433,4132.983887
	C2020.323120,4142.411133 2056.231445,4151.361328 2092.629395,4158.243164
	C2109.492432,4161.431152 2126.291260,4164.981934 2143.201904,4167.886230
	C2156.198730,4170.118652 2169.355957,4171.403320 2182.386475,4173.459473
	C2198.667969,4176.028320 2214.648193,4180.717773 2231.374268,4180.060059
	C2234.011475,4179.955566 2236.888428,4179.797363 2239.283447,4180.675781
	C2257.065674,4187.200195 2275.999512,4183.282227 2294.324463,4187.258789
	C2310.826416,4190.839355 2328.688477,4186.659668 2345.572998,4191.775391
	C2348.626709,4192.700684 2352.183594,4191.981445 2355.508057,4191.993652
	C2364.817871,4192.026855 2374.127686,4192.045410 2384.217285,4192.875000
	C2386.798828,4196.015137 2388.600586,4198.351074 2390.714844,4202.104980
	C2400.814453,4220.732422 2410.500977,4238.000000 2420.464111,4255.106445
	C2422.761719,4259.051270 2425.697510,4262.745117 2428.888916,4266.019531
	C2433.864014,4271.124023 2439.546631,4271.122559 2444.649902,4266.426758
	C2446.578613,4264.651855 2448.568115,4262.730957 2449.837891,4260.484863
	C2461.826904,4239.278320 2473.665771,4217.986816 2486.298096,4196.152344
	C2488.274658,4194.205566 2489.501221,4192.826172 2492.583008,4191.602539
	C2501.070312,4191.696777 2508.176270,4193.154297 2514.238525,4191.264160
	C2527.972656,4186.982422 2541.830811,4188.471680 2555.675293,4187.973145
	C2561.621338,4187.758789 2567.574219,4187.420898 2573.492920,4186.829102
	C2581.343750,4186.045410 2589.146973,4184.749512 2597.004883,4184.073242
	C2602.282959,4183.618652 2607.691895,4184.390625 2612.918213,4183.689453
	C2629.875732,4181.414062 2646.701172,4177.618652 2663.717773,4176.452637
	C2684.853027,4175.004395 2705.588867,4171.452148 2726.376709,4167.932129
	C2732.222900,4166.942871 2737.921631,4164.868652 2743.788574,4164.250977
	C2770.757812,4161.413574 2797.057617,4155.211426 2823.287598,4148.721680
	C2844.422607,4143.492676 2866.108398,4140.526367 2886.709229,4133.049805
	C2891.943848,4131.150391 2897.282227,4131.540527 2900.314941,4138.497070
	C2897.817871,4143.726074 2895.654785,4147.660645 2892.432617,4152.224609
	C2872.674805,4175.861816 2854.042969,4198.925781 2835.242432,4221.851074
	C2828.166016,4230.480469 2820.698730,4238.789551 2812.184082,4247.565918
	C2805.192871,4253.276855 2799.526855,4258.779297 2793.641357,4264.035156
	C2778.415771,4277.631348 2763.197266,4291.239258 2747.776855,4304.612305
	C2734.384766,4316.227051 2720.719971,4327.527344 2707.175537,4338.965820
z"/>
<path fill="#D8E4FB" opacity="1.000000" stroke="none"
	d="
M2148.517334,4355.807129
	C2150.498535,4358.389648 2151.993896,4361.666016 2154.536621,4363.447754
	C2180.133545,4381.384766 2205.911621,4399.063965 2231.587646,4416.889648
	C2232.583984,4417.581055 2233.064209,4419.016602 2234.515381,4421.209473
	C2231.237061,4425.749023 2225.900391,4428.382324 2221.011719,4431.114746
	C2184.386230,4451.587891 2147.760742,4472.067871 2110.878174,4492.072266
	C2083.361816,4506.996582 2055.473389,4521.235840 2027.717163,4535.716309
	C2024.843506,4537.214844 2021.742554,4538.277832 2018.249390,4539.753418
	C2015.076172,4536.736816 2011.920044,4534.303711 2009.450806,4531.305176
	C1973.020508,4487.065918 1936.406860,4442.973633 1900.410278,4398.383789
	C1873.181519,4364.654785 1847.919678,4329.487793 1828.959717,4289.555664
	C1836.113403,4289.198242 1842.084717,4289.771484 1847.711670,4291.479492
	C1892.081665,4304.946777 1936.565063,4317.994141 1981.823975,4328.187988
	C2022.443359,4337.337402 2062.947510,4347.146973 2103.853027,4354.791016
	C2116.921875,4357.233398 2131.068848,4361.410645 2145.708496,4355.597168
	C2146.644287,4355.673340 2148.517334,4355.807129 2148.517334,4355.807129
z"/>
<path fill="#D8E4FB" opacity="1.000000" stroke="none"
	d="
M3044.892822,4293.363281
	C3028.801514,4326.384766 3007.315186,4355.949707 2984.549561,4384.441895
	C2944.284912,4434.834961 2903.031250,4484.438477 2862.133301,4534.324707
	C2860.519043,4536.293457 2858.302734,4537.768066 2856.631592,4539.239746
	C2827.047119,4528.087891 2665.104004,4440.029297 2639.976562,4421.340332
	C2642.057129,4419.006348 2643.728027,4416.304199 2646.108887,4414.586426
	C2673.601074,4394.748047 2701.201416,4375.058594 2730.890625,4356.157227
	C2736.083496,4357.874512 2739.348877,4359.931641 2742.204102,4359.466309
	C2764.336914,4355.867188 2786.451172,4352.088379 2808.453125,4347.763184
	C2832.410645,4343.053711 2856.432861,4338.453125 2880.083008,4332.450195
	C2917.275879,4323.010254 2954.212158,4312.547852 2991.191895,4302.284180
	C3005.223145,4298.390137 3019.119385,4293.986816 3032.984375,4289.526855
	C3038.156250,4287.863770 3042.057373,4288.552734 3044.892822,4293.363281
z"/>
<path fill="#C6D2E7" opacity="1.000000" stroke="none"
	d="
M3045.982910,4292.496094
	C3042.057373,4288.552734 3038.156250,4287.863770 3032.984375,4289.526855
	C3019.119385,4293.986816 3005.223145,4298.390137 2991.191895,4302.284180
	C2954.212158,4312.547852 2917.275879,4323.010254 2880.083008,4332.450195
	C2856.432861,4338.453125 2832.410645,4343.053711 2808.453125,4347.763184
	C2786.451172,4352.088379 2764.336914,4355.867188 2742.204102,4359.466309
	C2739.348877,4359.931641 2736.083496,4357.874512 2732.166016,4355.568359
	C2732.560059,4352.654785 2733.795898,4351.157715 2736.672363,4348.297852
	C2750.843750,4337.424316 2762.103516,4326.280273 2776.313477,4319.382812
	C2780.920654,4324.561523 2785.373779,4323.864258 2790.043457,4322.795410
	C2800.293213,4320.449707 2810.575439,4318.238281 2820.873779,4316.115234
	C2838.245605,4312.534668 2855.738770,4309.484863 2872.997559,4305.429688
	C2889.646729,4301.517578 2905.910645,4295.910156 2922.613770,4292.294922
	C2958.792969,4284.464355 2993.613525,4272.083496 3028.939941,4261.422852
	C3040.465820,4257.944336 3051.794189,4255.023438 3063.879395,4256.018555
	C3058.277344,4267.888672 3052.675293,4279.758789 3045.982910,4292.496094
z"/>
<path fill="#C6D2E7" opacity="1.000000" stroke="none"
	d="
M2144.772705,4355.520996
	C2131.068848,4361.410645 2116.921875,4357.233398 2103.853027,4354.791016
	C2062.947510,4347.146973 2022.443359,4337.337402 1981.823975,4328.187988
	C1936.565063,4317.994141 1892.081665,4304.946777 1847.711670,4291.479492
	C1842.084717,4289.771484 1836.113403,4289.198242 1828.603027,4288.161621
	C1823.162842,4281.915527 1819.421021,4275.607910 1814.440552,4267.113281
	C1812.535522,4262.300781 1811.869141,4259.674316 1812.129883,4255.849609
	C1817.422729,4250.880859 1821.586914,4253.380371 1826.022705,4254.758301
	C1860.680054,4265.526367 1895.066040,4277.368652 1930.155273,4286.498047
	C1986.189087,4301.076660 2042.263916,4315.800293 2100.884277,4324.250000
	C2102.812012,4324.075195 2103.561035,4323.833984 2105.223633,4323.651367
	C2106.137207,4323.709961 2107.697754,4324.666992 2107.996826,4325.507812
	C2109.002930,4327.381836 2109.964844,4328.045410 2111.963379,4329.467285
	C2123.420654,4338.903809 2134.096680,4347.212402 2144.772705,4355.520996
z"/>
<path fill="#B3BED3" opacity="1.000000" stroke="none"
	d="
M3064.634033,4255.886719
	C3051.794189,4255.023438 3040.465820,4257.944336 3028.939941,4261.422852
	C2993.613525,4272.083496 2958.792969,4284.464355 2922.613770,4292.294922
	C2905.910645,4295.910156 2889.646729,4301.517578 2872.997559,4305.429688
	C2855.738770,4309.484863 2838.245605,4312.534668 2820.873779,4316.115234
	C2810.575439,4318.238281 2800.293213,4320.449707 2790.043457,4322.795410
	C2785.373779,4323.864258 2780.920654,4324.561523 2776.947021,4318.318359
	C2789.369629,4304.958984 2801.910645,4294.083984 2816.311523,4283.456055
	C2832.972656,4285.875977 2846.778809,4279.020996 2861.332275,4278.945801
	C2891.059814,4267.596191 2923.326416,4265.448730 2952.944824,4253.685547
	C2954.773682,4252.958984 2956.768311,4252.649414 2958.684326,4252.141602
	C2993.862549,4242.825684 3028.598877,4232.163086 3062.566895,4219.008789
	C3067.936523,4216.929199 3074.122070,4216.955566 3079.930176,4216.007812
	C3075.798828,4228.239258 3071.667725,4240.470215 3067.226562,4254.170410
	C3066.916260,4255.639160 3065.388672,4255.754883 3064.634033,4255.886719
z"/>
<path fill="#123E92" opacity="1.000000" stroke="none"
	d="
M1811.202881,4257.048340
	C1811.869141,4259.674316 1812.535522,4262.300781 1813.568115,4266.240234
	C1797.393433,4269.311035 1783.190674,4261.573730 1768.484619,4256.128906
	C1759.236450,4252.704590 1750.421265,4248.024902 1738.699707,4247.916504
	C1734.131592,4238.280273 1731.093750,4228.666016 1727.723389,4216.013184
	C1726.011597,4202.045898 1724.632202,4191.117188 1724.870728,4180.150391
	C1729.647339,4180.742676 1732.938477,4181.001953 1735.941040,4182.071289
	C1746.930908,4185.984863 1757.820801,4190.179199 1768.756470,4194.245605
	C1774.552979,4196.400879 1780.155884,4197.408691 1785.210938,4191.571289
	C1786.034912,4191.870605 1787.700928,4192.420410 1787.740723,4193.855469
	C1790.167358,4202.247559 1792.553955,4209.204102 1795.137695,4217.678711
	C1799.566406,4232.257812 1802.880859,4245.702637 1811.202881,4257.048340
z"/>
<path fill="#133B86" opacity="1.000000" stroke="none"
	d="
M2814.451660,4283.209961
	C2801.910645,4294.083984 2789.369629,4304.958984 2776.195068,4316.898438
	C2762.103516,4326.280273 2750.843750,4337.424316 2737.034424,4347.387695
	C2726.868164,4345.699219 2717.980225,4343.557617 2708.133789,4340.191406
	C2720.719971,4327.527344 2734.384766,4316.227051 2747.776855,4304.612305
	C2763.197266,4291.239258 2778.415771,4277.631348 2793.641357,4264.035156
	C2799.526855,4258.779297 2805.192871,4253.276855 2813.912354,4248.171387
	C2824.571289,4253.285645 2833.429443,4251.413086 2841.196777,4253.994141
	C2831.920410,4264.572754 2823.186279,4273.891113 2814.451660,4283.209961
z"/>
<path fill="#103C8D" opacity="1.000000" stroke="none"
	d="
M2145.708496,4355.597168
	C2134.096680,4347.212402 2123.420654,4338.903809 2111.860596,4328.500000
	C2110.248291,4325.139160 2109.155273,4324.559570 2107.697754,4324.666992
	C2107.697754,4324.666992 2106.137207,4323.709961 2104.614258,4322.936523
	C2102.190430,4321.288086 2101.238525,4320.472168 2099.708740,4318.481445
	C2086.245117,4306.102539 2073.307617,4294.959473 2059.897461,4282.675781
	C2056.836914,4278.390137 2054.249268,4275.244141 2053.564941,4272.060547
	C2064.530762,4271.801270 2073.592529,4271.580566 2082.654541,4271.359375
	C2088.844482,4270.785156 2091.884766,4275.698242 2095.665039,4279.072266
	C2114.261719,4295.669922 2132.679199,4312.469238 2151.299316,4329.040527
	C2154.146973,4331.574707 2157.756592,4333.240234 2160.951904,4335.398926
	C2165.802490,4338.675293 2170.598145,4342.032227 2176.267334,4346.472168
	C2168.557129,4350.211426 2159.996826,4352.833496 2149.976807,4355.630859
	C2148.517334,4355.807129 2146.644287,4355.673340 2145.708496,4355.597168
z"/>
<path fill="#8DB0F2" opacity="1.000000" stroke="none"
	d="
M2198.396240,504.438171
	C2201.992676,503.028870 2205.994385,502.222321 2209.124512,500.119171
	C2251.094727,471.920410 2293.047852,443.693420 2334.773438,415.135040
	C2352.884521,402.739105 2370.842773,390.053528 2388.161133,376.587616
	C2400.726074,366.817841 2412.130615,355.554779 2424.041016,344.944702
	C2427.934814,341.475983 2431.792480,337.966553 2436.399170,333.815521
	C2440.080811,336.503906 2443.590332,338.356018 2446.192871,341.075623
	C2475.404297,371.599609 2509.523682,395.885986 2544.687500,418.838440
	C2600.404053,455.206238 2655.784668,492.054718 2710.944824,533.689392
	C2732.096191,551.231750 2751.387939,567.070007 2770.166992,583.494385
	C2783.527588,595.179504 2796.130371,607.727661 2809.239990,619.706177
	C2811.521240,621.790710 2814.641113,622.958008 2817.740234,625.956421
	C2829.003906,639.768433 2840.172119,651.947449 2850.737305,664.628601
	C2868.512451,685.963074 2886.796875,706.958801 2899.183594,732.746399
	C2893.036133,734.317383 2887.652344,735.847107 2882.771240,734.868347
	C2865.301514,731.365356 2847.859131,727.540283 2830.667480,722.874451
	C2791.089844,712.132874 2750.780029,705.418091 2710.258057,699.675964
	C2699.169189,698.104675 2688.164795,695.920349 2677.064697,694.447876
	C2659.431396,692.108948 2641.763916,690.008118 2624.084961,688.038147
	C2607.688965,686.211182 2591.067871,685.692505 2574.921143,682.623291
	C2566.336914,680.991516 2557.959229,680.036133 2549.361572,680.027954
	C2530.088867,680.009644 2510.815918,680.107727 2490.536377,679.410828
	C2487.244385,675.150879 2484.959473,671.638550 2482.438721,666.797363
	C2473.666260,650.411316 2465.196533,635.315369 2456.552002,620.320312
	C2453.897461,615.716309 2451.097656,611.120728 2447.781738,606.988953
	C2440.121338,597.444397 2432.629395,597.513184 2424.793457,607.048035
	C2422.272949,610.114868 2420.082031,613.520874 2418.168213,617.006592
	C2406.674561,637.938171 2395.305664,658.938110 2383.224609,680.126953
	C2382.554199,680.338806 2381.168701,680.578979 2379.229492,680.409668
	C2367.991699,680.161072 2358.693115,680.021667 2349.394287,680.017944
	C2338.102295,680.013428 2326.411377,678.295471 2315.620605,680.651306
	C2302.424561,683.532043 2289.397217,683.848877 2276.172119,684.054382
	C2273.525146,684.095581 2270.724121,683.949158 2268.263916,684.734253
	C2251.057861,690.225464 2232.835938,687.436035 2215.359375,691.685364
	C2202.636230,694.778931 2189.163330,694.638489 2176.158447,696.759155
	C2155.358398,700.151062 2134.643555,704.089905 2113.938965,708.038391
	C2084.144043,713.720215 2054.275146,718.817749 2024.888550,726.772705
	C2007.242310,731.549500 1989.524048,738.723083 1970.713623,734.336182
	C1971.428589,731.412354 1971.842163,729.743408 1973.464844,727.510681
	C1979.426392,720.572998 1984.198853,714.214111 1988.927002,707.822388
	C2008.151489,681.834167 2028.662109,656.903992 2051.536377,632.459351
	C2076.485352,609.371277 2099.093506,585.531128 2125.315918,563.682495
	C2143.861816,549.656982 2161.867920,536.912354 2178.061035,522.175720
	C2184.715820,516.119507 2194.157959,513.150757 2198.396240,504.438171
z"/>
<path fill="#D8E4FB" opacity="1.000000" stroke="none"
	d="
M2730.610840,512.621094
	C2720.274902,505.391083 2709.919434,498.189270 2699.607910,490.924408
	C2683.816406,479.798309 2668.033691,468.659302 2652.295898,457.457794
	C2648.057861,454.441406 2643.995117,451.179260 2638.498047,447.000763
	C2643.239258,443.479248 2646.502930,440.442169 2650.285889,438.339905
	C2689.859375,416.347382 2729.420654,394.328674 2769.188232,372.690643
	C2790.825928,360.917267 2812.853516,349.860168 2834.706299,338.482025
	C2837.659424,336.944427 2840.535889,335.225006 2843.590332,333.923248
	C2853.895508,329.531067 2858.933594,330.284363 2866.490967,339.156860
	C2882.905273,358.427704 2898.809326,378.132080 2915.018555,397.578705
	C2944.875244,433.398499 2975.425537,468.661377 3002.448730,506.747955
	C3017.436523,527.871643 3032.456543,548.976562 3043.863770,572.367432
	C3044.724365,574.132629 3046.121094,575.636475 3045.862305,578.619873
	C3037.290039,579.163025 3029.855469,579.299255 3023.005615,577.364929
	C2996.337158,569.834290 2969.994385,561.134460 2943.264893,553.843079
	C2914.698486,546.050659 2885.937500,538.892883 2857.064697,532.323608
	C2832.066650,526.635864 2806.916992,521.359314 2781.597168,517.430603
	C2764.783447,514.821716 2748.036865,509.441223 2730.610840,512.621094
z"/>
<path fill="#D8E4FB" opacity="1.000000" stroke="none"
	d="
M1831.437012,571.152588
	C1832.663208,568.172485 1833.533325,564.979675 1835.167969,562.243591
	C1866.981934,508.989197 1905.862305,460.975769 1945.521973,413.532074
	C1966.406250,388.548798 1987.084839,363.393524 2007.815186,338.281982
	C2010.752319,334.724091 2013.456421,330.973907 2016.030151,327.623169
	C2034.464722,332.633820 2047.543335,343.258423 2062.251709,350.498077
	C2076.552002,357.536865 2090.578857,365.131500 2104.717773,372.497192
	C2119.445068,380.169342 2134.214111,387.764160 2148.870361,395.569733
	C2162.940186,403.063019 2177.072021,410.469574 2190.840820,418.490417
	C2205.018799,426.749298 2220.583252,433.070526 2231.613770,445.049164
	C2231.455811,452.510559 2226.165283,454.774933 2221.953613,457.776337
	C2204.643555,470.112518 2187.257568,482.342285 2167.896484,496.059509
	C2160.291748,501.165466 2154.690186,504.823151 2147.256348,508.325378
	C2138.766846,508.262573 2132.012207,507.664246 2125.470947,508.583740
	C2109.105469,510.884155 2092.719238,513.312927 2076.553711,516.703613
	C2044.162964,523.497559 2011.723999,530.218262 1979.653687,538.345642
	C1937.296387,549.079956 1894.761353,559.288147 1853.302734,573.340881
	C1848.989624,574.802795 1844.233032,575.794617 1839.744629,575.596069
	C1836.915405,575.470947 1834.202271,572.723694 1831.437012,571.152588
z"/>
<path fill="#C6D2E7" opacity="1.000000" stroke="none"
	d="
M2731.251953,513.718445
	C2748.036865,509.441223 2764.783447,514.821716 2781.597168,517.430603
	C2806.916992,521.359314 2832.066650,526.635864 2857.064697,532.323608
	C2885.937500,538.892883 2914.698486,546.050659 2943.264893,553.843079
	C2969.994385,561.134460 2996.337158,569.834290 3023.005615,577.364929
	C3029.855469,579.299255 3037.290039,579.163025 3046.149414,579.985352
	C3050.926514,584.910461 3054.010254,589.828125 3058.072266,595.506348
	C3060.896729,601.475098 3062.743164,606.683289 3063.927490,614.434814
	C3061.436035,617.517212 3059.341309,618.922180 3057.819336,618.456116
	C3047.096924,615.172974 3036.560059,611.282715 3025.836182,608.004272
	C3000.521484,600.265076 2975.350586,591.923645 2949.733398,585.333496
	C2897.916748,572.003357 2845.953857,559.193665 2793.383789,549.054382
	C2787.828369,547.982971 2784.502930,550.299438 2781.430664,554.693359
	C2774.221924,550.151917 2767.943115,546.742004 2762.468506,542.333313
	C2757.023682,537.948608 2752.497559,532.440308 2747.336182,527.676514
	C2745.482178,525.965332 2742.950684,524.988098 2740.728516,523.675842
	C2737.783447,520.722534 2734.838135,517.769165 2731.251953,513.718445
z"/>
<path fill="#BFCBDF" opacity="1.000000" stroke="none"
	d="
M1809.757812,608.488770
	C1812.190918,604.367371 1814.623901,600.245972 1818.894897,596.583618
	C1824.949097,600.968689 1829.156006,598.837708 1833.660034,597.399902
	C1860.126099,588.951660 1886.379395,579.641785 1913.228027,572.626526
	C1975.774048,556.284119 2038.680664,541.355713 2102.197266,529.158020
	C2108.198486,528.005493 2108.883789,528.549927 2111.841309,538.639893
	C2105.729492,544.970398 2100.237793,550.225281 2093.635254,555.893677
	C2089.869873,557.995728 2087.215576,559.684265 2083.674316,560.036194
	C2079.682617,557.926941 2076.339111,555.986145 2073.509277,556.563171
	C2046.412354,562.088135 2019.239746,567.380188 1992.402100,574.007629
	C1940.522705,586.819031 1889.065796,601.203552 1838.492554,618.587280
	C1832.871582,620.519348 1827.213013,622.570618 1821.401733,623.652283
	C1816.179688,624.624329 1810.678467,624.470337 1807.417236,617.639160
	C1808.285645,613.692078 1809.021729,611.090393 1809.757812,608.488770
z"/>
<path fill="#CCD8ED" opacity="1.000000" stroke="none"
	d="
M2112.460938,537.564331
	C2108.883789,528.549927 2108.198486,528.005493 2102.197266,529.158020
	C2038.680664,541.355713 1975.774048,556.284119 1913.228027,572.626526
	C1886.379395,579.641785 1860.126099,588.951660 1833.660034,597.399902
	C1829.156006,598.837708 1824.949097,600.968689 1819.810303,595.789734
	C1822.354980,587.292664 1825.822021,580.048584 1830.363037,571.978516
	C1834.202271,572.723694 1836.915405,575.470947 1839.744629,575.596069
	C1844.233032,575.794617 1848.989624,574.802795 1853.302734,573.340881
	C1894.761353,559.288147 1937.296387,549.079956 1979.653687,538.345642
	C2011.723999,530.218262 2044.162964,523.497559 2076.553711,516.703613
	C2092.719238,513.312927 2109.105469,510.884155 2125.470947,508.583740
	C2132.012207,507.664246 2138.766846,508.262573 2146.570557,509.517151
	C2135.964844,519.764343 2124.212891,528.664368 2112.460938,537.564331
z"/>
<path fill="#103C8D" opacity="1.000000" stroke="none"
	d="
M1808.064697,608.368286
	C1809.021729,611.090393 1808.285645,613.692078 1806.394043,618.632080
	C1801.142090,632.598755 1797.045654,644.227173 1792.287842,657.150879
	C1789.036987,665.635925 1786.447388,672.825745 1782.317383,680.038879
	C1772.789795,682.584045 1764.778687,685.032166 1756.821411,687.644531
	C1744.552734,691.672485 1732.320801,695.812866 1720.139404,698.300598
	C1722.240479,683.026611 1724.275513,669.357483 1726.310669,655.688416
	C1728.618896,647.109741 1730.927246,638.531067 1734.129639,628.814087
	C1742.336304,628.367920 1749.074585,627.029968 1756.032959,624.199463
	C1772.350098,617.562256 1788.710083,610.763184 1808.064697,608.368286
z"/>
<path fill="#133B86" opacity="1.000000" stroke="none"
	d="
M2738.957031,523.789490
	C2742.950684,524.988098 2745.482178,525.965332 2747.336182,527.676514
	C2752.497559,532.440308 2757.023682,537.948608 2762.468506,542.333313
	C2767.943115,546.742004 2774.221924,550.151917 2781.952148,555.762817
	C2794.161865,566.516479 2804.567871,575.506836 2815.585449,585.713745
	C2827.831543,598.142578 2839.465576,609.354919 2851.112549,621.479004
	C2851.125244,622.390747 2851.135986,624.214417 2849.328857,624.153687
	C2837.472412,624.244995 2827.422852,624.396973 2817.373535,624.548950
	C2814.641113,622.958008 2811.521240,621.790710 2809.239990,619.706177
	C2796.130371,607.727661 2783.527588,595.179504 2770.166992,583.494385
	C2751.387939,567.070007 2732.096191,551.231750 2712.280029,534.075439
	C2712.333008,528.191223 2714.303955,524.387695 2719.873779,524.188354
	C2725.640381,523.982056 2731.414795,523.989319 2738.957031,523.789490
z"/>
<path fill="#103F9A" opacity="1.000000" stroke="none"
	d="
M2111.841309,538.639893
	C2124.212891,528.664368 2135.964844,519.764343 2148.402832,509.672577
	C2154.690186,504.823151 2160.291748,501.165466 2167.102539,497.147644
	C2171.033447,501.969482 2175.468506,504.019989 2181.154053,503.996002
	C2185.714355,503.976776 2190.275146,504.150055 2196.615967,504.338043
	C2194.157959,513.150757 2184.715820,516.119507 2178.061035,522.175720
	C2161.867920,536.912354 2143.861816,549.656982 2124.975586,562.113281
	C2120.871338,559.387939 2118.510498,556.653625 2115.857178,556.331909
	C2108.888184,555.487000 2101.791504,555.692932 2094.745850,555.480164
	C2100.237793,550.225281 2105.729492,544.970398 2111.841309,538.639893
z"/>
<path fill="#8DB0F2" opacity="1.000000" stroke="none"
	d="
M1272.024902,3971.835938
	C1269.617188,3970.819580 1267.289673,3969.213867 1264.790039,3968.873779
	C1208.825562,3961.257568 1153.753174,3948.856934 1098.395752,3937.991455
	C1063.213257,3931.085693 1027.910400,3924.875244 992.229553,3921.212158
	C983.010620,3920.265869 973.627991,3920.990479 964.325867,3920.747070
	C959.840576,3920.629883 955.367432,3920.047852 951.610535,3919.736328
	C950.405579,3917.374023 949.258057,3916.199951 949.323730,3915.097900
	C951.752136,3874.343018 945.898010,3834.325928 938.196533,3794.548096
	C928.860535,3746.328369 918.677795,3698.272949 909.350403,3650.051514
	C905.570679,3630.511475 903.081177,3610.721924 899.652344,3587.801270
	C898.351929,3577.993896 897.235901,3571.450439 896.483582,3564.865479
	C892.558350,3530.512939 891.157166,3496.021729 890.752808,3461.467041
	C890.683838,3455.576416 889.514893,3449.698242 889.529419,3442.063477
	C892.041016,3414.058105 893.612854,3387.781494 895.815674,3361.557617
	C897.081055,3346.494629 899.369507,3331.517334 901.843445,3315.863281
	C902.915405,3314.081543 903.482544,3313.012939 905.663086,3312.035400
	C910.683228,3313.525635 915.040833,3314.173584 917.587524,3316.669434
	C921.307251,3320.314941 924.044861,3325.107666 926.650208,3329.722412
	C949.185913,3369.641357 973.514709,3408.411133 1000.702698,3445.338623
	C1022.702820,3475.219971 1043.215942,3506.222900 1067.885864,3534.099365
	C1075.786743,3543.027100 1083.043945,3552.521729 1090.713135,3561.657959
	C1103.487549,3576.875977 1116.341553,3592.027100 1129.194214,3607.178955
	C1134.338745,3613.243896 1139.948242,3618.958008 1144.634766,3625.353027
	C1148.171143,3630.178711 1152.531860,3632.190674 1157.791016,3634.022461
	C1151.258301,3658.591797 1145.058105,3681.582275 1138.908569,3704.586182
	C1137.885864,3708.412598 1136.725830,3712.253662 1136.241943,3716.163574
	C1134.354370,3731.412109 1140.708374,3737.703125 1155.457764,3734.972168
	C1161.943970,3733.771240 1168.253052,3731.631104 1174.662354,3729.994629
	C1194.511719,3724.927002 1214.370605,3719.896729 1235.459106,3715.623291
	C1250.567749,3729.697754 1264.438599,3743.005127 1278.322632,3756.298584
	C1280.241333,3758.135498 1282.136108,3760.013184 1284.191406,3761.688232
	C1304.672241,3778.376465 1325.108765,3795.120117 1345.715576,3811.651855
	C1358.600830,3821.989014 1371.567627,3832.244385 1384.845825,3842.066162
	C1396.537476,3850.714844 1409.003174,3858.324463 1420.616089,3867.071289
	C1449.717773,3888.990723 1480.052368,3909.008057 1511.259521,3927.777588
	C1525.435059,3936.303955 1539.074219,3945.719727 1553.210938,3954.313965
	C1558.495117,3957.526611 1560.550415,3961.607910 1559.050293,3967.813721
	C1558.168701,3968.176025 1556.262573,3968.153076 1555.151245,3967.985352
	C1552.054810,3968.652100 1550.069824,3969.486328 1546.608398,3970.799316
	C1542.083984,3971.854004 1539.036133,3972.430420 1534.680420,3972.732910
	C1530.077637,3973.492432 1526.782837,3974.525635 1521.929321,3975.519531
	C1516.264771,3976.061768 1512.158813,3976.643311 1506.388428,3976.967285
	C1488.338135,3978.182129 1471.952148,3979.654785 1453.744629,3980.818848
	C1446.609497,3980.565918 1441.292969,3980.758789 1435.982422,3980.655029
	C1406.762695,3980.083496 1377.536255,3979.687256 1348.328979,3978.721436
	C1332.420410,3978.195312 1316.545044,3976.660156 1299.796509,3974.861816
	C1296.803467,3974.021484 1294.668579,3973.899414 1290.873901,3973.314941
	C1283.484253,3972.513428 1277.754517,3972.174805 1272.024902,3971.835938
z"/>
<path fill="#D8E4FB" opacity="1.000000" stroke="none"
	d="
M871.618591,3588.054932
	C877.281738,3621.493652 882.985962,3654.925293 888.485962,3688.390869
	C888.759644,3690.056152 887.258972,3692.012939 886.162964,3694.971680
	C881.744507,3694.535645 877.161072,3694.741943 872.965393,3693.565430
	C838.375854,3683.865723 803.774536,3674.190918 769.342163,3663.952637
	C733.625977,3653.332031 698.085938,3642.118164 662.497253,3631.072021
	C659.361938,3630.099121 656.437439,3628.446533 653.482910,3627.139648
	C649.604553,3618.388428 652.201660,3609.737793 652.951782,3601.273438
	C656.535950,3560.823730 660.163940,3520.374023 664.297302,3479.977539
	C669.718201,3426.996826 675.931152,3374.117920 693.087646,3321.571777
	C698.083435,3322.876709 701.965454,3324.820557 703.733398,3327.956055
	C713.500061,3345.278320 722.574158,3362.989014 732.222900,3380.379639
	C744.758057,3402.972656 756.980652,3425.776123 770.486938,3447.783691
	C786.760742,3474.300781 804.045837,3500.207275 821.267517,3526.129395
	C832.617310,3543.213135 844.692322,3559.813965 856.305237,3576.725342
	C860.156311,3582.333496 864.027283,3587.632324 871.618591,3588.054932
z"/>
<path fill="#D8E4FB" opacity="1.000000" stroke="none"
	d="
M1281.546997,3999.347412
	C1281.546997,3999.347412 1282.853638,3998.891846 1283.556641,4000.674316
	C1286.865601,4006.175537 1288.770264,4010.810059 1292.208008,4013.442139
	C1302.719238,4021.490479 1313.758789,4028.858398 1324.701050,4036.332520
	C1384.968750,4077.497803 1445.973877,4117.447266 1511.402100,4150.166992
	C1521.485596,4155.209961 1531.005493,4161.373535 1541.052979,4166.496094
	C1546.742554,4169.395996 1548.442383,4173.670410 1547.928833,4179.482910
	C1524.673828,4188.022949 1500.286255,4191.755859 1476.042725,4195.787598
	C1425.446167,4204.201660 1374.369263,4208.468262 1323.265747,4212.442383
	C1304.027710,4213.937988 1284.855103,4216.264648 1265.645996,4218.143555
	C1259.110229,4218.783203 1252.553833,4219.210938 1244.912720,4219.823242
	C1235.796387,4200.489258 1232.355225,4180.099121 1225.804443,4160.808594
	C1219.174438,4141.284180 1213.310059,4121.499023 1207.184204,4101.805176
	C1201.058594,4082.112061 1194.431030,4062.548828 1189.117676,4042.636719
	C1183.880981,4023.011719 1176.400146,4003.742920 1175.541260,3981.342285
	C1209.281738,3985.514893 1240.870117,3992.865234 1275.362305,3997.942871
	C1277.771240,3999.085938 1279.633911,3999.579346 1279.633911,3999.579346
	C1279.633911,3999.579346 1281.546997,3999.347412 1281.546997,3999.347412
z"/>
<path fill="#BFCBDF" opacity="1.000000" stroke="none"
	d="
M699.989319,3295.997070
	C701.446472,3290.357178 702.903564,3284.717041 705.337646,3276.632324
	C707.794495,3270.904053 709.274536,3267.620850 712.014648,3264.334717
	C719.255432,3264.389404 720.598206,3269.400391 722.664551,3273.397461
	C733.631348,3294.613037 743.906616,3316.208008 755.491455,3337.077393
	C773.210632,3368.997070 791.494080,3400.615723 810.133545,3432.008301
	C822.666138,3453.116211 836.166870,3473.651855 849.370728,3494.356445
	C852.660095,3499.514404 856.825012,3503.820801 863.976562,3505.721191
	C865.330444,3520.947998 866.320007,3534.501221 865.870239,3548.031250
	C858.465576,3548.043945 854.985718,3544.799072 851.844727,3539.906006
	C831.485046,3508.190674 810.665955,3476.770264 790.348145,3445.028809
	C764.283691,3404.309082 740.695740,3362.174561 719.427490,3318.747803
	C716.802429,3313.387939 714.074158,3308.076660 711.307373,3302.788086
	C708.936401,3298.256348 705.043152,3296.125977 699.989319,3295.997070
z"/>
<path fill="#BFCBDF" opacity="1.000000" stroke="none"
	d="
M1588.011963,4168.774414
	C1583.598633,4169.896973 1579.185303,4171.019043 1573.364258,4170.627930
	C1572.257935,4163.692383 1569.223633,4160.639160 1564.690308,4158.392578
	C1552.782715,4152.492188 1540.472656,4147.222656 1529.169312,4140.316895
	C1496.934326,4120.621582 1462.794434,4104.348145 1430.944702,4083.883545
	C1395.849976,4061.333740 1361.209717,4038.125000 1326.398926,4015.160645
	C1322.101685,4012.326172 1320.024780,4008.580322 1321.900146,4003.292236
	C1334.593750,4003.992920 1345.482666,4004.926270 1357.217651,4006.539062
	C1360.202148,4007.297363 1362.340576,4007.375977 1364.321777,4007.383545
	C1364.164551,4007.312744 1364.507324,4007.275391 1364.455566,4008.732178
	C1365.575073,4017.612549 1371.228882,4020.959229 1376.948120,4024.540039
	C1400.462158,4039.261475 1423.547974,4054.690918 1447.361938,4068.904053
	C1480.845459,4088.888184 1513.893555,4109.681152 1549.115845,4126.629883
	C1562.253174,4132.951660 1575.173706,4139.722168 1588.276367,4146.116699
	C1594.977783,4149.387695 1600.987183,4153.262695 1603.271729,4161.291992
	C1597.573608,4164.405273 1592.792725,4166.589844 1588.011963,4168.774414
z"/>
<path fill="#CCD8ED" opacity="1.000000" stroke="none"
	d="
M1320.095459,4003.524658
	C1320.024780,4008.580322 1322.101685,4012.326172 1326.398926,4015.160645
	C1361.209717,4038.125000 1395.849976,4061.333740 1430.944702,4083.883545
	C1462.794434,4104.348145 1496.934326,4120.621582 1529.169312,4140.316895
	C1540.472656,4147.222656 1552.782715,4152.492188 1564.690308,4158.392578
	C1569.223633,4160.639160 1572.257935,4163.692383 1571.980469,4170.595703
	C1564.941772,4174.599121 1557.879272,4177.121094 1549.372803,4179.562988
	C1548.442383,4173.670410 1546.742554,4169.395996 1541.052979,4166.496094
	C1531.005493,4161.373535 1521.485596,4155.209961 1511.402100,4150.166992
	C1445.973877,4117.447266 1384.968750,4077.497803 1324.701050,4036.332520
	C1313.758789,4028.858398 1302.719238,4021.490479 1292.208008,4013.442139
	C1288.770264,4010.810059 1286.865601,4006.175537 1284.150146,4001.029785
	C1284.721558,3999.295654 1285.402466,3998.988525 1288.699707,3998.827881
	C1296.982178,3999.841553 1302.648438,4000.708496 1309.255371,4002.348145
	C1312.607666,4003.192383 1315.019165,4003.264404 1318.116699,4003.102051
	C1318.802856,4002.867432 1320.095459,4003.524658 1320.095459,4003.524658
z"/>
<path fill="#CCD8ED" opacity="1.000000" stroke="none"
	d="
M699.106201,3297.084961
	C705.043152,3296.125977 708.936401,3298.256348 711.307373,3302.788086
	C714.074158,3308.076660 716.802429,3313.387939 719.427490,3318.747803
	C740.695740,3362.174561 764.283691,3404.309082 790.348145,3445.028809
	C810.665955,3476.770264 831.485046,3508.190674 851.844727,3539.906006
	C854.985718,3544.799072 858.465576,3548.043945 866.304077,3549.592285
	C869.720459,3560.731445 871.263794,3570.286621 872.807251,3579.842041
	C872.591797,3581.671875 872.376404,3583.501953 871.889771,3586.693359
	C864.027283,3587.632324 860.156311,3582.333496 856.305237,3576.725342
	C844.692322,3559.813965 832.617310,3543.213135 821.267517,3526.129395
	C804.045837,3500.207275 786.760742,3474.300781 770.486938,3447.783691
	C756.980652,3425.776123 744.758057,3402.972656 732.222900,3380.379639
	C722.574158,3362.989014 713.500061,3345.278320 703.733398,3327.956055
	C701.965454,3324.820557 698.083435,3322.876709 693.798218,3320.213135
	C694.353638,3312.753174 696.288391,3305.462891 699.106201,3297.084961
z"/>
<path fill="#123E92" opacity="1.000000" stroke="none"
	d="
M1588.202637,4170.126953
	C1592.792725,4166.589844 1597.573608,4164.405273 1604.639160,4161.236328
	C1612.604736,4157.463379 1618.285522,4154.674316 1625.368408,4151.789551
	C1634.042358,4147.173340 1641.206665,4142.462402 1648.655884,4138.256348
	C1650.711548,4137.095703 1653.617554,4137.440918 1656.799072,4138.231445
	C1659.987793,4145.082031 1664.427490,4148.756348 1670.075562,4151.083496
	C1684.570679,4157.056152 1699.081665,4162.991211 1712.863525,4170.093750
	C1702.607788,4178.715820 1693.074707,4186.186523 1683.541626,4193.657227
	C1675.270264,4198.270020 1666.999023,4202.882812 1657.346436,4207.729492
	C1650.566528,4208.105469 1645.967163,4206.611816 1641.153809,4203.670898
	C1633.351440,4198.903320 1624.635742,4195.647949 1616.382568,4191.596680
	C1605.935913,4186.468750 1593.379150,4184.222168 1588.202637,4170.126953
z"/>
<path fill="#103C8D" opacity="1.000000" stroke="none"
	d="
M710.754517,3264.337402
	C709.274536,3267.620850 707.794495,3270.904053 705.379211,3275.162598
	C698.566040,3275.963135 694.520508,3273.177734 691.944641,3267.861328
	C687.315857,3258.308105 681.304443,3249.226807 678.120300,3239.231445
	C675.348022,3230.529053 669.911621,3224.300537 664.010498,3216.255371
	C668.466736,3205.456055 673.593201,3195.963379 680.223511,3184.482178
	C688.195068,3174.618896 694.662720,3166.744141 702.583557,3159.554688
	C716.372131,3176.807129 723.583984,3196.088379 732.720886,3215.633301
	C730.684021,3222.187012 728.634521,3227.464111 725.636353,3233.826172
	C719.757324,3244.584473 711.742676,3252.797363 710.754517,3264.337402
z"/>
<path fill="#133B86" opacity="1.000000" stroke="none"
	d="
M874.231323,3579.895264
	C871.263794,3570.286621 869.720459,3560.731445 867.743347,3549.615234
	C866.320007,3534.501221 865.330444,3520.947998 864.289124,3503.897949
	C863.677246,3485.680420 863.117188,3470.960205 862.963074,3454.538086
	C863.757080,3445.862305 864.145142,3438.888672 865.849731,3432.087646
	C870.356995,3434.417969 873.872681,3436.227051 876.656982,3438.821045
	C880.204590,3442.126221 883.916382,3444.264893 888.854126,3443.814453
	C889.514893,3449.698242 890.683838,3455.576416 890.752808,3461.467041
	C891.157166,3496.021729 892.558350,3530.512939 896.483582,3564.865479
	C897.235901,3571.450439 898.351929,3577.993896 899.168335,3586.204102
	C894.377930,3588.069580 890.204773,3587.252686 886.176331,3584.365723
	C883.162109,3582.205566 879.197083,3581.372314 874.231323,3579.895264
z"/>
<path fill="#123E92" opacity="1.000000" stroke="none"
	d="
M1321.900146,4003.292236
	C1320.095459,4003.524658 1318.802856,4002.867432 1317.155518,4002.319336
	C1313.110352,4001.706055 1310.712402,4001.640869 1308.314575,4001.575684
	C1302.648438,4000.708496 1296.982178,3999.841553 1289.711426,3998.346191
	C1285.672241,3994.091797 1283.266235,3990.446777 1280.795898,3986.845947
	C1277.972046,3982.729492 1275.091431,3978.652100 1272.130127,3973.197021
	C1277.754517,3972.174805 1283.484253,3972.513428 1291.712524,3973.987061
	C1296.359009,3975.274658 1298.506836,3975.427490 1300.654785,3975.580322
	C1316.545044,3976.660156 1332.420410,3978.195312 1348.328979,3978.721436
	C1377.536255,3979.687256 1406.762695,3980.083496 1435.982422,3980.655029
	C1441.292969,3980.758789 1446.609497,3980.565918 1452.466797,3981.773926
	C1435.838257,3983.419922 1418.661499,3983.681396 1401.498047,3984.305908
	C1398.695190,3984.407959 1395.950562,3986.113770 1392.744141,3987.229736
	C1397.096313,3994.596436 1400.711304,4000.715332 1402.531738,4007.223633
	C1388.660522,4007.500244 1376.583984,4007.387695 1364.507324,4007.275391
	C1364.507324,4007.275391 1364.164551,4007.312744 1363.549438,4006.562012
	C1360.746704,4005.827148 1358.559082,4005.843262 1356.371460,4005.859375
	C1345.482666,4004.926270 1334.593750,4003.992920 1321.900146,4003.292236
z"/>
<path fill="#CCD8ED" opacity="1.000000" stroke="none"
	d="
M1280.856934,3998.624023
	C1281.546997,3999.347412 1279.633911,3999.579346 1279.633911,3999.579346
	C1279.633911,3999.579346 1277.771240,3999.085938 1277.040649,3998.468994
	C1277.603638,3997.210938 1278.889160,3997.227051 1280.856934,3998.624023
z"/>
<path fill="#8DB0F2" opacity="1.000000" stroke="none"
	d="
M522.868652,2692.166016
	C516.504639,2682.879883 510.094604,2673.625000 503.784637,2664.302246
	C475.831268,2623.001953 448.080231,2581.563232 419.896667,2540.420898
	C406.375153,2520.681885 392.362732,2501.258301 377.956757,2482.156250
	C371.584595,2473.707031 363.742371,2466.355469 356.445953,2458.620117
	C353.712891,2455.722412 350.685577,2453.093018 347.704071,2450.440674
	C333.739136,2438.017090 337.564575,2426.286377 347.888245,2418.527832
	C373.989868,2398.912109 390.813019,2371.517334 408.988556,2345.426514
	C432.550995,2311.602539 454.818359,2276.879150 477.868103,2242.694336
	C489.761353,2225.055664 502.140961,2207.745117 515.715820,2188.151367
	C530.246155,2169.322021 543.458008,2152.701904 556.407776,2135.880127
	C559.581116,2131.757812 561.897400,2126.975830 565.897705,2121.878906
	C593.804565,2093.426025 620.423889,2065.593506 647.018677,2037.737427
	C647.451660,2037.283813 647.583374,2036.542480 649.038269,2035.276367
	C657.027710,2021.971924 669.878967,2016.127441 680.560181,2007.910767
	C697.650696,1994.763550 715.067200,1982.040039 733.585144,1968.783447
	C736.445129,1967.867432 738.065857,1967.305176 739.776733,1968.574951
	C740.610229,1981.747925 739.085327,1992.711670 736.187927,2003.773315
	C724.143494,2049.756348 714.422180,2096.244873 707.426575,2143.283691
	C705.876953,2153.703125 704.239502,2164.110596 702.523926,2174.504395
	C699.841858,2190.752930 695.322266,2206.739258 695.912903,2223.449219
	C696.028687,2226.722656 696.029480,2230.331543 694.812561,2233.257080
	C691.619751,2240.932129 692.295471,2248.872070 691.908386,2256.804199
	C691.652527,2262.045898 690.517273,2267.241699 689.853088,2272.467773
	C689.188354,2277.698975 688.255554,2282.929688 688.076782,2288.182373
	C687.537598,2304.024414 689.501587,2319.997803 684.355652,2335.556885
	C683.161682,2339.166992 684.030151,2343.470947 684.011963,2347.456055
	C683.963501,2358.085205 683.948975,2368.714355 683.010010,2380.176270
	C680.113464,2382.472900 678.127869,2383.936523 674.813904,2385.626465
	C654.463745,2396.750977 635.398438,2407.575195 616.455383,2418.609131
	C612.473022,2420.928955 608.641357,2423.699219 605.268921,2426.831299
	C599.924988,2431.793945 599.969971,2437.172119 604.945190,2442.510986
	C606.747681,2444.445068 608.618835,2446.519775 610.874268,2447.795654
	C629.886230,2458.551025 648.994751,2469.135498 668.891907,2480.724121
	C674.560181,2484.888672 679.410828,2488.100586 684.179016,2493.184082
	C684.299500,2509.589600 682.476318,2524.244385 687.540039,2538.461182
	C688.600708,2541.438965 687.898071,2545.047363 687.993286,2548.365723
	C688.486145,2565.530518 686.227478,2582.849854 691.658691,2599.736572
	C692.826172,2603.366211 691.884277,2607.658447 692.017639,2611.641846
	C692.150696,2615.618896 691.517334,2619.903564 692.773376,2623.512695
	C698.527832,2640.048340 695.843689,2657.547852 699.416199,2674.506836
	C704.014587,2696.335693 705.012634,2718.938965 710.272949,2740.789062
	C710.890564,2743.354736 711.386169,2745.951904 711.875244,2748.546143
	C716.638428,2773.813477 720.914062,2799.184814 726.286865,2824.321533
	C730.837585,2845.611816 736.398315,2866.700439 742.053467,2887.732666
	C743.903748,2894.614014 740.709595,2897.591553 734.256104,2899.835938
	C723.745300,2892.979248 714.380798,2886.683838 705.390808,2879.892578
	C696.056274,2872.840820 685.015015,2868.119141 676.426086,2857.988281
	C664.475342,2846.778320 653.086060,2836.850830 641.943542,2826.653564
	C625.664001,2811.755371 606.580261,2799.679199 594.428589,2778.950439
	C585.773438,2768.213623 577.380249,2758.827148 569.366028,2749.127441
	C553.754578,2730.233154 538.355652,2711.163086 522.868652,2692.166016
z"/>
<path fill="#D8E4FB" opacity="1.000000" stroke="none"
	d="
M501.540222,2163.062988
	C489.010895,2180.239502 476.556580,2197.471924 463.907104,2214.559326
	C460.069458,2219.743408 457.894806,2226.748779 450.237854,2228.248535
	C442.773834,2226.316650 440.492798,2219.453369 437.289185,2213.907959
	C425.297729,2193.151123 413.403076,2172.322998 402.114868,2151.178467
	C379.848938,2109.471191 357.986969,2067.547607 336.043732,2025.668945
	C334.247589,2022.240967 333.105621,2018.470337 331.494171,2014.445435
	C334.122559,2011.673096 336.143188,2009.039185 338.639587,2006.983154
	C384.408875,1969.288818 429.960083,1931.322144 476.142303,1894.139526
	C508.849976,1867.805542 543.052185,1843.481445 582.859558,1824.500488
	C585.731750,1826.967285 586.869629,1829.056519 586.380920,1830.645630
	C583.287354,1840.705811 579.378662,1850.529541 576.582336,1860.664062
	C567.289429,1894.343384 558.056274,1928.045044 549.392151,1961.889771
	C544.162842,1982.317139 539.853699,2002.987427 535.454834,2023.617676
	C531.061768,2044.220947 528.173218,2065.214355 522.578186,2085.471436
	C517.570190,2103.603027 515.063232,2121.622559 515.671082,2141.537109
	C510.672791,2149.557129 506.106476,2156.310059 501.540222,2163.062988
z"/>
<path fill="#D8E4FB" opacity="1.000000" stroke="none"
	d="
M583.834839,3044.599609
	C574.463623,3039.633545 564.820374,3035.115967 555.767273,3029.625488
	C512.328247,3003.280273 472.643555,2971.818115 433.673248,2939.398926
	C403.442169,2914.249512 373.109344,2889.222412 342.899017,2864.048096
	C338.904907,2860.719482 335.368134,2856.842285 332.028015,2853.614014
	C338.686920,2831.567871 433.357513,2657.232422 450.095398,2636.153809
	C453.128174,2639.546631 456.327209,2642.555908 458.858643,2646.049072
	C475.671997,2669.249756 492.342224,2692.554199 510.500214,2717.640137
	C513.399414,2722.093018 514.857361,2724.730469 516.193848,2729.218262
	C514.973022,2754.449219 519.353577,2777.209229 524.017212,2799.917236
	C526.412537,2811.580566 529.825317,2823.064453 531.684265,2834.802734
	C538.742981,2879.373535 552.366211,2922.358398 563.068115,2966.039795
	C567.955688,2985.988770 575.050415,3005.388916 580.697388,3025.165283
	C582.486572,3031.431152 582.829895,3038.109863 583.834839,3044.599609
z"/>
<path fill="#C6D2E7" opacity="1.000000" stroke="none"
	d="
M516.103027,2140.269775
	C515.063232,2121.622559 517.570190,2103.603027 522.578186,2085.471436
	C528.173218,2065.214355 531.061768,2044.220947 535.454834,2023.617676
	C539.853699,2002.987427 544.162842,1982.317139 549.392151,1961.889771
	C558.056274,1928.045044 567.289429,1894.343384 576.582336,1860.664062
	C579.378662,1850.529541 583.287354,1840.705811 586.380920,1830.645630
	C586.869629,1829.056519 585.731750,1826.967285 584.222595,1824.220947
	C590.853333,1818.915161 598.607422,1814.497803 608.353088,1809.019531
	C611.856995,1807.748413 613.369324,1807.538086 616.285645,1807.697754
	C619.288147,1809.847778 622.444946,1811.882324 622.203186,1813.361694
	C621.357666,1818.535889 619.359985,1823.525269 617.763184,1828.572998
	C607.965759,1859.542847 596.923279,1890.183716 588.651428,1921.555420
	C577.024841,1965.649780 567.034546,2010.193970 557.255920,2054.745850
	C554.305176,2068.189941 550.257202,2081.794922 551.460693,2097.206299
	C539.336792,2112.386719 527.719910,2126.328369 516.103027,2140.269775
z"/>
<path fill="#C9D6E9" opacity="1.000000" stroke="none"
	d="
M584.608154,3045.673828
	C582.829895,3038.109863 582.486572,3031.431152 580.697388,3025.165283
	C575.050415,3005.388916 567.955688,2985.988770 563.068115,2966.039795
	C552.366211,2922.358398 538.742981,2879.373535 531.684265,2834.802734
	C529.825317,2823.064453 526.412537,2811.580566 524.017212,2799.917236
	C519.353577,2777.209229 514.973022,2754.449219 517.394836,2729.843262
	C527.348694,2739.991455 535.979980,2751.364502 544.421997,2764.572510
	C544.285217,2773.026855 543.279907,2779.859619 544.566650,2786.229736
	C551.471069,2820.411865 558.296204,2854.633789 566.375305,2888.549805
	C578.751221,2940.503418 592.752747,2992.034180 610.844421,3042.364014
	C612.724182,3047.593262 612.766174,3052.870361 607.236145,3056.454590
	C598.635742,3056.181152 592.824402,3049.627930 584.608154,3045.673828
z"/>
<path fill="#BCC8DC" opacity="1.000000" stroke="none"
	d="
M607.439087,3057.278076
	C612.766174,3052.870361 612.724182,3047.593262 610.844421,3042.364014
	C592.752747,2992.034180 578.751221,2940.503418 566.375305,2888.549805
	C558.296204,2854.633789 551.471069,2820.411865 544.566650,2786.229736
	C543.279907,2779.859619 544.285217,2773.026855 545.596863,2765.240723
	C554.211609,2772.873047 561.462280,2781.672119 568.499023,2792.313232
	C568.408569,2800.133301 567.333801,2806.446289 568.894043,2812.022217
	C572.658203,2825.473877 574.412720,2839.246338 577.241089,2852.814697
	C583.046875,2880.666260 590.179932,2908.297852 598.068848,2935.644531
	C608.912354,2973.233643 621.097961,3010.434082 632.374756,3047.901611
	C634.445923,3054.783203 634.927795,3062.143311 634.705444,3069.054688
	C627.753906,3067.103760 622.240112,3065.381104 616.195740,3062.902344
	C614.691528,3061.221436 613.548218,3060.899658 611.258179,3060.629883
	C609.541565,3059.967285 608.802002,3059.855957 608.062378,3059.744629
	C608.062378,3059.744629 607.641968,3058.101562 607.439087,3057.278076
z"/>
<path fill="#123E92" opacity="1.000000" stroke="none"
	d="
M616.726379,3063.658203
	C622.240112,3065.381104 627.753906,3067.103760 635.712036,3069.900879
	C646.731506,3073.765381 655.306519,3076.555908 665.171143,3079.957520
	C672.514282,3082.898682 678.567688,3085.229004 683.455933,3088.497070
	C681.770569,3093.175781 680.408447,3097.047119 680.962280,3100.621582
	C681.539856,3104.349854 684.472839,3107.653809 685.487488,3111.385010
	C688.865662,3123.806885 698.047607,3134.615967 694.224243,3148.736816
	C681.616211,3147.599365 670.688660,3146.293701 659.761047,3144.988037
	C648.830505,3141.918701 637.900024,3138.849365 625.567505,3135.114746
	C625.314636,3118.928223 619.002930,3105.051758 613.219116,3091.484375
	C609.216125,3082.094482 607.625610,3072.995850 608.040894,3061.453857
	C608.802002,3059.855957 609.541565,3059.967285 611.814880,3061.334717
	C614.334717,3063.388672 615.460571,3063.744385 616.726379,3063.658203
z"/>
<path fill="#123E92" opacity="1.000000" stroke="none"
	d="
M614.881653,1807.327637
	C613.369324,1807.538086 611.856995,1807.748413 609.198608,1807.990723
	C607.415466,1798.568970 609.427124,1789.915649 613.062561,1780.963501
	C619.035339,1766.255493 623.086365,1750.767212 627.975220,1734.080322
	C637.629395,1729.606445 647.255981,1726.660034 659.907349,1723.360107
	C673.663208,1721.746460 684.394470,1720.486328 695.395752,1720.858887
	C694.809631,1727.513916 694.632080,1732.777222 692.952454,1737.507202
	C689.710693,1746.636597 685.549316,1755.435791 681.908447,1764.428223
	C679.619873,1770.080811 678.345093,1775.715332 684.048706,1780.963867
	C683.724976,1781.799194 683.114685,1783.483032 681.621094,1783.516602
	C671.890991,1786.203247 663.654358,1788.856201 653.938782,1791.621094
	C639.556702,1796.022705 626.255615,1799.353149 614.881653,1807.327637
z"/>
<path fill="#123E92" opacity="1.000000" stroke="none"
	d="
M568.712952,2790.470947
	C561.462280,2781.672119 554.211609,2772.873047 545.786133,2763.405762
	C535.979980,2751.364502 527.348694,2739.991455 517.516357,2727.993164
	C514.857361,2724.730469 513.399414,2722.093018 511.681061,2718.349609
	C513.097839,2710.468262 514.617310,2703.646729 516.567627,2696.950439
	C517.030212,2695.362549 518.937561,2694.195557 521.524475,2692.500488
	C538.355652,2711.163086 553.754578,2730.233154 569.366028,2749.127441
	C577.380249,2758.827148 585.773438,2768.213623 593.011597,2779.353516
	C590.697205,2783.620850 588.470032,2786.194092 588.216858,2788.948730
	C587.638550,2795.243164 588.026123,2801.626465 586.845825,2807.427246
	C580.017822,2801.410889 574.365356,2795.940918 568.712952,2790.470947
z"/>
<path fill="#103F9A" opacity="1.000000" stroke="none"
	d="
M515.671082,2141.537109
	C527.719910,2126.328369 539.336792,2112.386719 552.537476,2096.787354
	C555.933228,2093.718506 557.745239,2092.307617 559.834412,2092.607910
	C564.188354,2103.300049 564.079224,2112.949463 564.607788,2122.497070
	C561.897400,2126.975830 559.581116,2131.757812 556.407776,2135.880127
	C543.458008,2152.701904 530.246155,2169.322021 516.097778,2186.885254
	C510.814026,2187.169434 508.518402,2184.885010 508.105164,2180.468262
	C507.598511,2175.053223 509.295990,2169.071777 502.987000,2163.858154
	C506.106476,2156.310059 510.672791,2149.557129 515.671082,2141.537109
z"/>
<path fill="#8DB0F2" opacity="1.000000" stroke="none"
	d="
M4359.803711,2188.084961
	C4364.391113,2195.310059 4368.806641,2202.651367 4373.594727,2209.740967
	C4401.103516,2250.474854 4428.778320,2291.097412 4456.245117,2331.859863
	C4478.920410,2365.511475 4502.077148,2398.743652 4532.279297,2426.336182
	C4534.166016,2428.060059 4535.486328,2430.404053 4537.605469,2433.154297
	C4535.663574,2436.061035 4534.322266,2439.131592 4532.084473,2441.258057
	C4495.645020,2475.883301 4467.875000,2517.236084 4440.180176,2558.715088
	C4413.260742,2599.032715 4385.793945,2638.984131 4358.604004,2679.121582
	C4356.015137,2682.943604 4353.689453,2686.944092 4349.977539,2692.764404
	C4320.699707,2727.709473 4292.677246,2760.744385 4264.725098,2793.838867
	C4263.967773,2794.735107 4263.976562,2796.278564 4262.264648,2798.014404
	C4257.869629,2801.034912 4254.715820,2803.430176 4251.824707,2806.108398
	C4233.472168,2823.109131 4215.735352,2840.827881 4196.700195,2857.022949
	C4179.278809,2871.844238 4162.056152,2887.336670 4139.144531,2895.105957
	C4134.745605,2887.723389 4135.374512,2881.022705 4137.108398,2874.623047
	C4145.062500,2845.261719 4151.344727,2815.549316 4157.658203,2785.797119
	C4164.787109,2752.199951 4169.586426,2718.246338 4175.743652,2684.510498
	C4177.636230,2674.139893 4179.549805,2663.615723 4179.751465,2653.128906
	C4180.096191,2635.218750 4186.246582,2617.865723 4184.295898,2599.779297
	C4184.028320,2597.296631 4185.545898,2594.664795 4185.942383,2592.057373
	C4186.735352,2586.842773 4187.708008,2581.613037 4187.924805,2576.361572
	C4188.578125,2560.515381 4186.371582,2544.510498 4191.619629,2528.938232
	C4192.833496,2525.335205 4191.966797,2521.018799 4191.992188,2517.030029
	C4192.052246,2507.720459 4192.071777,2498.410645 4193.083008,2488.268066
	C4198.925293,2484.216309 4203.791504,2480.997803 4210.070801,2477.420654
	C4226.358887,2468.578125 4241.256348,2460.131592 4256.091797,2451.578613
	C4258.935547,2449.939209 4261.685547,2448.062500 4264.224609,2445.984863
	C4274.135742,2437.874512 4274.440430,2431.248047 4264.669434,2423.646729
	C4258.979004,2419.219971 4252.601562,2415.641602 4246.379883,2411.938965
	C4228.305664,2401.184326 4210.154297,2390.559814 4192.029785,2378.021484
	C4191.070312,2353.049805 4194.737793,2329.678955 4188.113770,2306.889648
	C4190.383301,2284.900635 4184.464355,2263.430420 4183.963379,2241.614746
	C4183.887207,2238.303467 4183.728516,2234.964600 4183.226074,2231.697021
	C4180.925781,2216.730713 4178.335449,2201.808105 4176.137695,2186.827393
	C4173.075684,2165.950195 4171.307129,2144.826416 4167.139648,2124.180420
	C4158.390137,2080.832520 4148.774902,2037.648438 4138.696777,1994.588623
	C4136.670410,1985.930664 4135.951172,1977.692139 4138.111816,1969.690918
	C4153.364258,1980.095093 4167.448242,1989.635986 4181.110840,1999.745972
	C4192.734375,2008.347168 4203.872559,2017.603760 4215.748047,2027.665649
	C4235.636230,2047.745361 4254.894043,2066.841797 4274.429688,2085.648926
	C4280.566406,2091.556396 4283.702148,2100.350098 4292.644531,2105.200684
	C4310.254883,2127.598145 4327.379395,2148.757812 4344.561035,2169.870850
	C4349.557617,2176.010986 4354.718262,2182.017334 4359.803711,2188.084961
z"/>
<path fill="#D8E4FB" opacity="1.000000" stroke="none"
	d="
M4299.959473,1827.964844
	C4314.761719,1836.795410 4329.944336,1845.051880 4344.290527,1854.569946
	C4380.374512,1878.509521 4413.856934,1905.910156 4447.153809,1933.519165
	C4475.321289,1956.875244 4503.491211,1980.229004 4531.603516,2003.651489
	C4535.615234,2006.993774 4539.308105,2010.718628 4542.843750,2013.984619
	C4532.995605,2040.892212 4442.493652,2207.450439 4424.717285,2231.266113
	C4422.004395,2228.564453 4419.028809,2226.304932 4416.938477,2223.406494
	C4402.935547,2203.985107 4389.120605,2184.427979 4373.677734,2162.952393
	C4367.477539,2154.154053 4362.844238,2147.318604 4359.621094,2139.640869
	C4364.978027,2134.212646 4364.174805,2128.878418 4363.179199,2123.650879
	C4362.438965,2119.767578 4360.445312,2116.016357 4360.271973,2112.149902
	C4359.258301,2089.586426 4351.841309,2068.086182 4349.392578,2045.842651
	C4346.917480,2023.360596 4337.814941,2002.586182 4334.805176,1980.123535
	C4331.839355,1957.987305 4325.695312,1936.029053 4318.640137,1914.757568
	C4311.391113,1892.901123 4308.284668,1869.715210 4297.240723,1849.002441
	C4294.354492,1843.588989 4294.589355,1836.510986 4293.386230,1830.171509
	C4296.273438,1829.202271 4298.116211,1828.583618 4299.959473,1827.964844
z"/>
<path fill="#D8E4FB" opacity="1.000000" stroke="none"
	d="
M4367.526367,2714.953613
	C4372.280762,2707.774902 4376.854980,2700.468750 4381.823730,2693.441650
	C4395.222656,2674.493164 4408.789551,2655.663574 4421.908691,2637.319336
	C4428.279785,2636.729736 4429.369141,2641.421875 4431.183594,2644.534668
	C4444.905762,2668.080811 4458.876953,2691.503418 4471.807129,2715.484619
	C4494.205078,2757.025879 4515.925781,2798.932373 4537.869141,2840.717773
	C4539.683594,2844.173096 4541.026855,2847.875732 4542.785645,2851.914307
	C4540.450195,2854.870605 4538.836914,2857.849609 4536.413086,2859.842285
	C4487.609863,2899.958984 4439.022949,2940.348389 4389.685059,2979.798096
	C4369.990234,2995.545654 4348.757812,3009.404541 4327.902344,3023.649658
	C4318.728027,3029.916016 4308.745605,3035.000244 4297.655273,3039.337402
	C4296.229980,3036.723633 4296.016113,3035.319824 4296.365723,3034.073486
	C4307.803223,2993.236084 4320.911133,2952.870850 4330.329590,2911.461670
	C4335.166504,2890.196289 4340.874023,2869.181396 4345.209961,2847.738525
	C4351.895508,2814.679199 4358.341797,2781.577637 4364.968262,2748.509766
	C4367.234863,2737.200684 4368.136230,2726.252930 4367.526367,2714.953613
z"/>
<path fill="#BFCBDF" opacity="1.000000" stroke="none"
	d="
M4276.066406,3052.075684
	C4276.066406,3052.075684 4275.917480,3053.572510 4274.786133,3054.541992
	C4273.063965,3055.895752 4272.474121,3056.280029 4270.848633,3056.725830
	C4268.810547,3057.693115 4267.806641,3058.599121 4265.480469,3059.646729
	C4259.135742,3061.442139 4254.113770,3063.096191 4247.932617,3063.875977
	C4244.575195,3054.227783 4248.205078,3046.397949 4250.901367,3038.473389
	C4254.095703,3029.084961 4258.159180,3019.959961 4260.858887,3010.440674
	C4272.747559,2968.524658 4284.875000,2926.660156 4295.736816,2884.473633
	C4303.125000,2855.778809 4308.530273,2826.574951 4314.891113,2797.613525
	C4316.097656,2792.118896 4313.964355,2788.693115 4309.625000,2785.490723
	C4321.217285,2771.566650 4332.123047,2758.879150 4343.303711,2748.074951
	C4343.312012,2759.201416 4344.139648,2768.634521 4342.572266,2777.651367
	C4338.175293,2802.953369 4333.302734,2828.198730 4327.664551,2853.252441
	C4320.716309,2884.132568 4313.240723,2914.910645 4305.162598,2945.513916
	C4299.767090,2965.953369 4292.897949,2986.002686 4286.743652,3006.243652
	C4284.827637,3012.544678 4283.987793,3019.353027 4281.067871,3025.126465
	C4276.676270,3033.809326 4275.421875,3042.665527 4276.066406,3052.075684
z"/>
<path fill="#C9D6E9" opacity="1.000000" stroke="none"
	d="
M4299.171875,1826.888916
	C4298.116211,1828.583618 4296.273438,1829.202271 4293.386230,1830.171509
	C4294.589355,1836.510986 4294.354492,1843.588989 4297.240723,1849.002441
	C4308.284668,1869.715210 4311.391113,1892.901123 4318.640137,1914.757568
	C4325.695312,1936.029053 4331.839355,1957.987305 4334.805176,1980.123535
	C4337.814941,2002.586182 4346.917480,2023.360596 4349.392578,2045.842651
	C4351.841309,2068.086182 4359.258301,2089.586426 4360.271973,2112.149902
	C4360.445312,2116.016357 4362.438965,2119.767578 4363.179199,2123.650879
	C4364.174805,2128.878418 4364.978027,2134.212646 4358.552246,2138.973877
	C4349.343262,2130.189697 4342.613281,2121.230225 4335.942871,2110.486816
	C4335.924316,2102.706543 4337.015625,2096.411377 4335.571777,2090.764648
	C4328.185547,2061.883301 4327.200684,2031.728760 4317.809570,2003.255371
	C4315.325195,1995.722534 4314.053223,1987.798462 4311.985840,1980.118164
	C4303.375977,1948.128906 4298.127930,1915.235107 4286.142090,1884.147095
	C4284.962891,1881.087769 4284.737793,1877.674561 4283.811035,1874.501099
	C4280.281250,1862.413696 4277.596191,1849.957031 4272.743164,1838.417480
	C4268.965820,1829.435181 4267.596191,1820.670288 4268.129883,1811.267578
	C4268.841797,1811.370605 4269.553711,1811.473755 4271.753906,1812.966064
	C4274.478516,1814.767212 4275.714844,1815.179199 4276.951172,1815.591309
	C4284.095703,1818.998535 4291.239746,1822.405884 4299.171875,1826.888916
z"/>
<path fill="#CCD8ED" opacity="1.000000" stroke="none"
	d="
M4277.369141,3051.922363
	C4275.421875,3042.665527 4276.676270,3033.809326 4281.067871,3025.126465
	C4283.987793,3019.353027 4284.827637,3012.544678 4286.743652,3006.243652
	C4292.897949,2986.002686 4299.767090,2965.953369 4305.162598,2945.513916
	C4313.240723,2914.910645 4320.716309,2884.132568 4327.664551,2853.252441
	C4333.302734,2828.198730 4338.175293,2802.953369 4342.572266,2777.651367
	C4344.139648,2768.634521 4343.312012,2759.201416 4343.513184,2746.807129
	C4347.837402,2737.557617 4352.225586,2731.459229 4356.614258,2725.360840
	C4359.514648,2722.314697 4362.415039,2719.268799 4366.420898,2715.588379
	C4368.136230,2726.252930 4367.234863,2737.200684 4364.968262,2748.509766
	C4358.341797,2781.577637 4351.895508,2814.679199 4345.209961,2847.738525
	C4340.874023,2869.181396 4335.166504,2890.196289 4330.329590,2911.461670
	C4320.911133,2952.870850 4307.803223,2993.236084 4296.365723,3034.073486
	C4296.016113,3035.319824 4296.229980,3036.723633 4296.255859,3039.735352
	C4290.444824,3044.867188 4284.558594,3048.318115 4277.369141,3051.922363
z"/>
<path fill="#103C8D" opacity="1.000000" stroke="none"
	d="
M4356.424805,2723.547852
	C4352.225586,2731.459229 4347.837402,2737.557617 4343.239258,2744.923828
	C4332.123047,2758.879150 4321.217285,2771.566650 4308.566406,2786.027344
	C4300.333496,2795.390137 4293.845215,2802.979736 4286.176758,2811.221436
	C4277.932129,2818.402100 4270.867676,2824.930664 4263.846191,2829.627441
	C4263.802246,2817.704102 4263.715332,2807.612061 4263.627930,2797.520264
	C4263.976562,2796.278564 4263.967773,2794.735107 4264.725098,2793.838867
	C4292.677246,2760.744385 4320.699707,2727.709473 4350.017578,2694.098633
	C4356.190918,2702.369141 4356.209961,2712.052490 4356.424805,2723.547852
z"/>
<path fill="#123E92" opacity="1.000000" stroke="none"
	d="
M4271.883789,3056.664551
	C4272.474121,3056.280029 4273.063965,3055.895752 4274.687500,3055.287598
	C4274.822266,3060.154297 4274.437988,3065.402588 4272.929688,3070.305664
	C4268.312988,3085.312012 4263.135254,3100.145508 4258.466309,3115.136963
	C4257.125488,3119.441895 4256.768066,3124.052734 4255.923828,3130.121094
	C4243.607910,3135.714355 4231.328125,3139.709473 4216.016602,3143.993652
	C4208.717773,3144.721436 4204.449219,3145.160645 4200.181152,3145.599609
	C4202.626953,3137.429199 4204.839844,3129.179688 4207.577637,3121.108154
	C4211.179199,3110.488770 4215.370605,3100.068115 4218.885254,3089.422119
	C4219.612305,3087.219238 4218.481934,3084.403320 4217.695312,3080.168457
	C4218.180176,3077.696045 4219.127930,3076.867676 4221.474609,3075.921875
	C4231.646484,3072.157715 4240.369141,3068.454102 4249.091309,3064.750244
	C4254.113770,3063.096191 4259.135742,3061.442139 4266.511230,3059.555420
	C4269.870605,3058.436768 4270.877441,3057.550537 4271.883789,3056.664551
z"/>
<path fill="#123E92" opacity="1.000000" stroke="none"
	d="
M4335.883301,2112.270752
	C4342.613281,2121.230225 4349.343262,2130.189697 4357.142090,2139.816162
	C4362.844238,2147.318604 4367.477539,2154.154053 4372.532227,2162.293457
	C4369.017090,2165.635742 4368.023926,2169.204834 4368.059082,2173.230713
	C4368.104980,2178.546143 4367.258301,2183.444824 4361.112305,2187.390381
	C4354.718262,2182.017334 4349.557617,2176.010986 4344.561035,2169.870850
	C4327.379395,2148.757812 4310.254883,2127.598145 4294.154297,2104.870117
	C4296.772461,2100.694824 4299.406738,2098.221436 4299.706055,2095.492188
	C4300.413086,2089.036377 4300.011230,2082.458740 4301.208008,2076.032715
	C4304.281738,2077.354980 4306.205566,2078.575439 4308.636719,2081.030029
	C4318.057129,2092.266357 4326.970215,2102.268555 4335.883301,2112.270752
z"/>
<path fill="#BCC8DC" opacity="1.000000" stroke="none"
	d="
M4276.637695,1814.724609
	C4275.714844,1815.179199 4274.478516,1814.767212 4272.669922,1813.537842
	C4272.097168,1812.720581 4273.886719,1812.325439 4274.796875,1812.223145
	C4275.706543,1812.120728 4276.324219,1813.857788 4276.637695,1814.724609
z"/>
<path fill="#0E3580" opacity="1.000000" stroke="none"
	d="
M4147.982910,1639.970215
	C4156.034180,1639.301025 4161.668457,1642.225098 4165.037109,1650.016235
	C4170.981934,1663.765869 4177.440430,1677.293945 4183.859375,1693.564209
	C4178.347656,1701.400635 4174.015137,1707.306519 4172.294922,1716.246582
	C4180.079102,1717.609009 4186.541504,1718.589966 4192.934570,1719.906250
	C4198.056152,1720.960815 4203.094727,1722.422363 4208.169922,1723.703369
	C4207.788086,1730.411743 4208.580566,1736.711182 4211.399902,1743.103882
	C4215.676758,1752.799438 4219.099121,1762.915894 4222.206543,1773.061157
	C4223.524902,1777.365479 4223.125488,1782.196045 4221.860352,1788.122314
	C4216.404297,1788.842163 4212.594727,1788.227295 4208.208984,1786.928711
	C4206.639648,1785.376465 4205.521973,1785.166016 4202.958984,1785.075195
	C4199.751465,1784.357056 4197.866211,1784.177490 4194.744141,1783.263428
	C4187.921875,1781.545898 4182.335449,1780.562988 4175.647461,1778.695801
	C4168.240723,1776.248657 4161.936523,1774.685425 4155.635742,1771.558838
	C4152.895508,1762.548828 4150.274902,1755.053711 4147.380371,1747.665894
	C4141.820312,1733.474365 4136.152832,1719.324219 4130.433594,1705.195679
	C4127.598633,1698.192505 4124.108887,1691.772827 4115.449219,1690.232300
	C4116.220215,1686.130615 4116.683105,1683.389771 4118.205078,1679.909180
	C4126.765137,1672.840820 4133.132324,1665.679810 4137.169922,1655.288818
	C4141.423828,1649.645142 4144.703125,1644.807617 4147.982910,1639.970215
z"/>
<path fill="#BCC8DC" opacity="1.000000" stroke="none"
	d="
M4335.942871,2110.486816
	C4326.970215,2102.268555 4318.057129,2092.266357 4309.244141,2079.648926
	C4312.203613,2072.135986 4312.315918,2067.065918 4310.772461,2061.679199
	C4308.408691,2053.431885 4305.727051,2045.204956 4304.268066,2036.781006
	C4296.361816,1991.140625 4283.893066,1946.638916 4270.839844,1902.302979
	C4263.181152,1876.287964 4254.431641,1850.595337 4246.406738,1824.685181
	C4245.064941,1820.353516 4244.470215,1815.663574 4244.345215,1811.116577
	C4244.209961,1806.222412 4247.979004,1804.544678 4252.219238,1803.857666
	C4256.995117,1805.660400 4261.770508,1807.463013 4267.337891,1810.266602
	C4267.596191,1820.670288 4268.965820,1829.435181 4272.743164,1838.417480
	C4277.596191,1849.957031 4280.281250,1862.413696 4283.811035,1874.501099
	C4284.737793,1877.674561 4284.962891,1881.087769 4286.142090,1884.147095
	C4298.127930,1915.235107 4303.375977,1948.128906 4311.985840,1980.118164
	C4314.053223,1987.798462 4315.325195,1995.722534 4317.809570,2003.255371
	C4327.200684,2031.728760 4328.185547,2061.883301 4335.571777,2090.764648
	C4337.015625,2096.411377 4335.924316,2102.706543 4335.942871,2110.486816
z"/>
<path fill="#B1BCD0" opacity="1.000000" stroke="none"
	d="
M4251.239746,1802.844971
	C4247.979004,1804.544678 4244.209961,1806.222412 4244.345215,1811.116577
	C4244.470215,1815.663574 4245.064941,1820.353516 4246.406738,1824.685181
	C4254.431641,1850.595337 4263.181152,1876.287964 4270.839844,1902.302979
	C4283.893066,1946.638916 4296.361816,1991.140625 4304.268066,2036.781006
	C4305.727051,2045.204956 4308.408691,2053.431885 4310.772461,2061.679199
	C4312.315918,2067.065918 4312.203613,2072.135986 4308.736328,2078.414551
	C4306.205566,2078.575439 4304.281738,2077.354980 4300.581055,2074.877930
	C4297.132324,2071.047363 4295.609375,2068.360596 4293.756348,2065.924072
	C4290.443848,2061.568848 4286.932129,2057.364258 4283.658203,2051.251953
	C4283.625977,2040.822144 4284.900879,2031.895386 4282.989258,2023.713623
	C4276.256348,1994.898438 4269.290527,1966.080078 4260.779785,1937.753662
	C4251.877930,1908.125488 4244.461914,1878.021973 4233.113770,1849.111206
	C4228.336426,1836.941162 4225.823730,1823.901001 4221.619629,1811.480347
	C4219.263184,1804.517700 4220.386719,1798.543579 4223.826172,1792.550293
	C4232.637695,1795.644165 4241.448730,1798.738159 4251.239746,1802.844971
z"/>
<path fill="#A3AEC3" opacity="1.000000" stroke="none"
	d="
M4223.639648,1791.971191
	C4220.386719,1798.543579 4219.263184,1804.517700 4221.619629,1811.480347
	C4225.823730,1823.901001 4228.336426,1836.941162 4233.113770,1849.111206
	C4244.461914,1878.021973 4251.877930,1908.125488 4260.779785,1937.753662
	C4269.290527,1966.080078 4276.256348,1994.898438 4282.989258,2023.713623
	C4284.900879,2031.895386 4283.625977,2040.822144 4282.458984,2050.657715
	C4273.899902,2044.300049 4266.695312,2036.692017 4259.651367,2027.243042
	C4259.388672,2017.460327 4260.256836,2009.188843 4258.328125,2001.631104
	C4247.008301,1957.278687 4236.469238,1912.700073 4221.048828,1869.479980
	C4213.489258,1848.291626 4206.973145,1826.732910 4199.775879,1805.412354
	C4197.415039,1798.418213 4195.218750,1791.498047 4195.980469,1783.998047
	C4197.866211,1784.177490 4199.751465,1784.357056 4203.549316,1785.697998
	C4206.472656,1787.535278 4207.580566,1787.786377 4208.784668,1787.612427
	C4212.594727,1788.227295 4216.404297,1788.842163 4221.605469,1789.860840
	C4222.996582,1790.264648 4223.453613,1791.392090 4223.639648,1791.971191
z"/>
<path fill="#BFCBDF" opacity="1.000000" stroke="none"
	d="
M4209.508301,1723.529663
	C4203.094727,1722.422363 4198.056152,1720.960815 4192.934570,1719.906250
	C4186.541504,1718.589966 4180.079102,1717.609009 4172.294922,1716.246582
	C4174.015137,1707.306519 4178.347656,1701.400635 4184.487305,1694.967773
	C4189.169434,1688.178711 4193.399414,1682.635986 4198.750488,1676.439941
	C4204.612793,1687.980469 4209.399902,1700.157227 4214.058594,1712.382935
	C4214.984863,1714.814087 4215.417969,1717.432739 4216.135742,1721.432739
	C4214.410645,1723.052246 4212.628418,1723.204102 4209.508301,1723.529663
z"/>
<path fill="#B1BCD0" opacity="1.000000" stroke="none"
	d="
M4012.055420,1403.983643
	C4010.850586,1386.391357 4009.645752,1368.799072 4008.790039,1349.511719
	C4018.015137,1349.146973 4022.822021,1355.910889 4027.051514,1362.498047
	C4046.731934,1393.148926 4066.538818,1423.741455 4085.277588,1454.968750
	C4109.845215,1495.909912 4133.788086,1537.241943 4154.280273,1580.448730
	C4156.545898,1585.226562 4158.571289,1590.360229 4166.086914,1591.713257
	C4162.749023,1603.146240 4158.042969,1614.411255 4151.110352,1626.638184
	C4141.864746,1626.249390 4140.088867,1620.077881 4137.471680,1614.873413
	C4114.591309,1569.373779 4092.866943,1523.266846 4065.970703,1479.891602
	C4051.709229,1456.892334 4037.534912,1433.838989 4023.396240,1410.764038
	C4020.744141,1406.435669 4017.119141,1404.097900 4012.055420,1403.983643
z"/>
<path fill="#A2ADC1" opacity="1.000000" stroke="none"
	d="
M4011.722412,1405.697266
	C4017.119141,1404.097900 4020.744141,1406.435669 4023.396240,1410.764038
	C4037.534912,1433.838989 4051.709229,1456.892334 4065.970703,1479.891602
	C4092.866943,1523.266846 4114.591309,1569.373779 4137.471680,1614.873413
	C4140.088867,1620.077881 4141.864746,1626.249390 4150.263672,1627.756104
	C4150.501465,1631.085571 4149.359375,1634.259155 4148.100098,1638.701416
	C4144.703125,1644.807617 4141.423828,1649.645142 4135.769531,1655.052490
	C4130.800293,1652.821167 4127.380371,1650.425293 4125.766602,1647.141724
	C4121.115723,1637.679321 4117.675293,1627.612793 4112.885742,1618.229614
	C4103.020508,1598.901123 4091.575439,1580.322021 4082.612305,1560.602051
	C4067.229736,1526.758179 4044.498047,1497.207764 4027.945068,1464.105347
	C4024.552734,1457.321655 4019.712891,1452.040039 4011.105957,1450.232422
	C4010.599609,1441.719971 4010.260986,1434.912842 4009.922607,1428.105591
	C4010.411377,1421.207397 4010.900391,1414.309082 4011.722412,1405.697266
z"/>
<path fill="#B3BED3" opacity="1.000000" stroke="none"
	d="
M2814.973877,584.497192
	C2804.567871,575.506836 2794.161865,566.516479 2783.234375,556.456665
	C2784.502930,550.299438 2787.828369,547.982971 2793.383789,549.054382
	C2845.953857,559.193665 2897.916748,572.003357 2949.733398,585.333496
	C2975.350586,591.923645 3000.521484,600.265076 3025.836182,608.004272
	C3036.560059,611.282715 3047.096924,615.172974 3057.819336,618.456116
	C3059.341309,618.922180 3061.436035,617.517212 3064.171631,615.799683
	C3069.711670,624.955139 3074.345459,635.289124 3079.757324,646.830566
	C3080.408936,648.696777 3080.282959,649.355591 3078.337891,650.997192
	C3069.080322,652.647034 3062.115967,650.888611 3055.156982,648.371643
	C3045.244385,644.786194 3034.842529,642.413025 3025.200439,638.246826
	C2992.331543,624.044495 2957.379150,616.823669 2923.121094,607.386780
	C2895.134033,599.677246 2866.570312,594.079285 2838.488770,586.684998
	C2830.544678,584.593201 2822.941895,583.851379 2814.973877,584.497192
z"/>
<path fill="#BAC5D9" opacity="1.000000" stroke="none"
	d="
M3191.026611,672.239380
	C3181.674561,682.719666 3169.114014,690.800598 3156.154541,699.559265
	C3151.098633,694.171204 3152.927246,687.913086 3151.777344,682.499695
	C3150.685303,677.358521 3149.701416,672.194336 3148.129883,665.528259
	C3147.802490,663.297119 3148.015381,662.577881 3148.628174,660.807251
	C3156.604980,659.425171 3162.704834,663.446289 3169.035889,666.669861
	C3175.468506,669.945190 3181.915283,672.936646 3191.026611,672.239380
z"/>
<path fill="#BCC8DC" opacity="1.000000" stroke="none"
	d="
M4198.891602,3146.189941
	C4204.449219,3145.160645 4208.717773,3144.721436 4214.582031,3144.492188
	C4215.694336,3160.673096 4208.581543,3174.136963 4199.353027,3188.468994
	C4189.791016,3178.071289 4181.016602,3166.303223 4173.256836,3153.123535
	C4176.382812,3150.715820 4178.495117,3149.719971 4180.607422,3148.724121
	C4186.272461,3148.075928 4191.937500,3147.427979 4198.891602,3146.189941
z"/>
<path fill="#BFCBDF" opacity="1.000000" stroke="none"
	d="
M3150.124268,4212.091797
	C3150.261719,4197.966309 3152.004639,4183.819824 3153.938477,4168.125488
	C3164.433350,4170.890137 3170.312256,4178.305664 3177.682617,4183.111328
	C3184.832520,4187.772949 3191.782471,4192.741699 3199.468750,4198.758301
	C3190.120361,4199.920410 3181.100098,4203.666992 3172.403564,4207.883301
	C3165.728516,4211.119629 3158.937500,4212.242676 3150.124268,4212.091797
z"/>
<path fill="#BCC8DC" opacity="1.000000" stroke="none"
	d="
M659.832886,3146.434082
	C670.688660,3146.293701 681.616211,3147.599365 695.292053,3149.305420
	C703.654968,3151.214111 702.810120,3154.900879 701.130371,3158.869141
	C694.662720,3166.744141 688.195068,3174.618896 680.625610,3183.196777
	C674.390503,3180.927490 670.376953,3177.014404 668.354858,3171.246094
	C665.615051,3163.430664 662.728455,3155.666504 659.832886,3146.434082
z"/>
<path fill="#BFCBDF" opacity="1.000000" stroke="none"
	d="
M1684.018066,4195.144043
	C1693.074707,4186.186523 1702.607788,4178.715820 1714.099854,4169.894043
	C1717.480591,4169.421875 1719.549927,4169.975098 1720.191528,4171.247559
	C1721.596313,4174.034668 1722.276611,4177.186035 1723.252930,4180.188965
	C1724.632202,4191.117188 1726.011597,4202.045898 1727.211792,4214.590332
	C1712.019653,4214.558594 1700.186646,4205.094238 1686.697266,4199.698242
	C1685.711548,4199.303711 1685.217163,4197.682129 1684.018066,4195.144043
z"/>
<path fill="#BFCBDF" opacity="1.000000" stroke="none"
	d="
M695.125671,1719.226196
	C684.394470,1720.486328 673.663208,1721.746460 661.352173,1722.847900
	C662.389587,1708.658813 666.106567,1695.096191 677.617798,1683.637451
	C685.786682,1691.256104 692.471191,1699.454102 700.647278,1709.499268
	C702.712952,1712.909790 703.286987,1714.472900 702.704468,1716.167725
	C699.527527,1717.301270 697.507263,1718.303467 695.395630,1719.292236
	C695.304321,1719.278687 695.125671,1719.226196 695.125671,1719.226196
z"/>
<path fill="#BFCBDF" opacity="1.000000" stroke="none"
	d="
M1724.799072,655.744324
	C1724.275513,669.357483 1722.240479,683.026611 1720.070557,698.328125
	C1719.935791,699.960510 1719.896240,700.096375 1718.958740,700.196533
	C1718.021362,700.296753 1716.240356,700.916443 1715.251953,700.472168
	C1713.570190,699.825256 1712.876831,699.622620 1711.693604,698.142090
	C1707.062988,694.085327 1702.811890,691.455444 1698.807617,688.492126
	C1692.948608,684.156250 1687.266357,679.581360 1681.508789,675.108276
	C1681.508789,675.108215 1680.816772,673.314087 1680.485107,672.411987
	C1690.640991,666.625122 1701.007568,661.447998 1711.686157,657.024353
	C1715.131226,655.597290 1719.397217,656.152039 1724.799072,655.744324
z"/>
<path fill="#A8B4C8" opacity="1.000000" stroke="none"
	d="
M1671.800415,666.228394
	C1670.826660,667.429321 1669.630859,667.040588 1668.192017,665.074280
	C1669.133667,663.933167 1670.343506,664.313782 1671.800415,666.228394
z"/>
<path fill="#83A4E3" opacity="1.000000" stroke="none"
	d="
M3715.785156,1236.021240
	C3718.851074,1237.107910 3722.679443,1237.382324 3724.852051,1239.420898
	C3734.564697,1248.536255 3744.282959,1257.731079 3753.104736,1267.689453
	C3766.721191,1283.060181 3779.667236,1299.028198 3792.770996,1314.847534
	C3797.419189,1320.458618 3801.555908,1326.491699 3806.166992,1332.135742
	C3832.621338,1364.517700 3856.672607,1398.629883 3880.825928,1432.750732
	C3906.201172,1468.597778 3929.710205,1505.486572 3951.723145,1543.405884
	C3955.182373,1549.364624 3959.052246,1554.533691 3967.758545,1557.871094
	C3965.388184,1574.733154 3961.522217,1589.741211 3956.162842,1604.418945
	C3945.958496,1600.450317 3942.815186,1592.104492 3938.468262,1584.814209
	C3934.397705,1577.987427 3930.624268,1570.982666 3926.514404,1564.180420
	C3918.634521,1551.139160 3909.987549,1538.520874 3902.766602,1525.129639
	C3884.789307,1491.789795 3861.721191,1461.852905 3840.572510,1430.639771
	C3831.306641,1416.964111 3821.531494,1403.578003 3811.201416,1390.690430
	C3791.351562,1365.925415 3773.351807,1339.638306 3750.989502,1316.917358
	C3748.674316,1314.565063 3746.864258,1311.722168 3744.614746,1309.297241
	C3733.808105,1297.649658 3723.038330,1285.963013 3711.960205,1274.577271
	C3710.332520,1272.904541 3707.121094,1272.772583 3704.673584,1270.465576
	C3708.398193,1258.009277 3712.091797,1247.015259 3715.785156,1236.021240
z"/>
<path fill="#83A4E3" opacity="1.000000" stroke="none"
	d="
M3314.880371,901.591064
	C3316.005127,910.200684 3320.783447,915.925049 3328.300293,920.148438
	C3368.239258,942.587952 3406.646729,967.477234 3444.119629,993.788513
	C3470.663574,1012.426147 3497.419434,1030.758545 3522.201172,1051.841431
	C3539.822021,1066.832153 3558.885254,1080.127319 3576.510986,1095.112793
	C3594.184326,1110.138672 3610.982422,1126.206299 3627.897461,1142.100708
	C3631.151123,1145.157593 3633.170654,1149.528198 3635.991943,1155.185791
	C3636.224365,1157.078979 3636.033203,1158.098755 3635.201660,1157.931885
	C3633.168457,1158.020142 3632.311279,1158.706055 3630.291992,1159.866211
	C3619.215332,1162.375854 3609.645020,1164.842285 3600.039062,1165.910034
	C3599.537354,1162.596558 3599.702393,1160.028564 3598.504395,1158.870361
	C3588.967529,1149.648438 3579.551758,1140.237915 3569.374268,1131.754761
	C3549.566650,1115.244263 3529.475098,1099.059326 3509.156006,1083.181396
	C3483.611816,1063.220703 3458.425293,1042.689453 3431.826172,1024.216431
	C3384.447510,991.312500 3336.549561,959.093567 3285.208496,932.439209
	C3280.528076,930.009094 3276.371094,926.582581 3271.912842,923.709045
	C3267.856445,921.094666 3268.257080,916.994995 3269.590820,912.429077
	C3285.652344,908.411804 3300.266357,905.001404 3314.880371,901.591064
z"/>
<path fill="#0C2964" opacity="1.000000" stroke="none"
	d="
M3644.055664,1156.056152
	C3654.050049,1152.735474 3663.944580,1149.063477 3674.063721,1146.180786
	C3687.455078,1142.365967 3700.997803,1139.066284 3714.530273,1135.771851
	C3718.361084,1134.839233 3722.381592,1134.313354 3726.320312,1134.282959
	C3732.219238,1134.237549 3736.753906,1138.155640 3736.861328,1143.963989
	C3736.970215,1149.871460 3736.688232,1155.997437 3735.231689,1161.683105
	C3730.789795,1179.024536 3725.699707,1196.199829 3718.731934,1214.548828
	C3709.683594,1212.944458 3704.353516,1205.977295 3695.687500,1206.275024
	C3697.534424,1192.686523 3704.204590,1181.647583 3703.899658,1167.418213
	C3698.372314,1168.324707 3693.978027,1168.746216 3689.739746,1169.796631
	C3677.073730,1172.936035 3664.468994,1176.321655 3651.879883,1178.152344
	C3653.917236,1168.054443 3647.870361,1162.480591 3644.055664,1156.056152
z"/>
<path fill="#0F2D6A" opacity="1.000000" stroke="none"
	d="
M3435.957275,860.823364
	C3437.222656,865.100037 3438.376953,869.413818 3439.787354,873.642029
	C3440.995361,877.263855 3442.497314,880.787720 3443.865723,885.769897
	C3426.670410,888.439636 3409.431396,889.248901 3392.298340,891.058411
	C3369.226318,893.495239 3346.235596,896.703003 3321.539551,897.996765
	C3320.214111,891.515930 3317.736328,887.979431 3314.618896,884.512146
	C3312.090820,881.699890 3310.143555,878.365234 3308.751221,874.440613
	C3313.140137,872.312561 3316.716797,871.006104 3322.049561,869.488770
	C3341.277100,867.154663 3358.748291,865.031433 3377.899414,863.110229
	C3395.749756,861.984741 3411.920410,860.657227 3429.395508,859.620850
	C3432.452148,860.215698 3434.204834,860.519531 3435.957275,860.823364
z"/>
<path fill="#0F2D6A" opacity="1.000000" stroke="none"
	d="
M4008.685791,1427.830933
	C4010.260986,1434.912842 4010.599609,1441.719971 4010.222656,1451.578613
	C4008.979004,1469.760498 4008.450684,1484.890991 4007.443359,1501.576660
	C4004.660156,1520.753174 4002.355713,1538.374634 3999.154785,1556.185547
	C3998.257812,1556.375000 3996.496826,1556.883667 3995.744385,1555.719849
	C3988.098389,1550.343506 3982.861084,1542.678589 3973.252197,1544.125366
	C3973.972656,1538.253540 3974.664551,1532.378174 3975.417969,1526.510620
	C3979.975098,1491.024902 3983.000977,1455.420044 3984.046387,1417.849121
	C3990.407227,1415.502930 3995.569092,1417.172485 3999.893799,1421.779175
	C4002.034668,1424.059326 4004.907471,1425.652344 4008.685791,1427.830933
z"/>
<path fill="#0A204E" opacity="1.000000" stroke="none"
	d="
M3972.790039,1545.359131
	C3982.861084,1542.678589 3988.098389,1550.343506 3995.714355,1557.322754
	C3995.732422,1565.233154 3995.207764,1570.409302 3994.285645,1575.513672
	C3992.327637,1586.354858 3990.163330,1597.158813 3987.360840,1609.272705
	C3984.119385,1620.272217 3981.600342,1629.976929 3978.240234,1640.173584
	C3975.919189,1641.916626 3974.438721,1643.167725 3971.663086,1643.821777
	C3968.006836,1640.353149 3965.368652,1637.661865 3963.352539,1634.565430
	C3960.730957,1630.537964 3957.378174,1628.202515 3952.538086,1626.579834
	C3954.235596,1618.304810 3955.945801,1611.526978 3957.656250,1604.749268
	C3961.522217,1589.741211 3965.388184,1574.733154 3969.233887,1558.087158
	C3970.251709,1553.163818 3971.289795,1549.878418 3972.790039,1545.359131
z"/>
<path fill="#0A204E" opacity="1.000000" stroke="none"
	d="
M3307.938721,875.262207
	C3310.143555,878.365234 3312.090820,881.699890 3314.618896,884.512146
	C3317.736328,887.979431 3320.214111,891.515930 3319.871826,897.806152
	C3318.824951,899.875305 3317.692383,900.358521 3315.678711,901.119629
	C3300.266357,905.001404 3285.652344,908.411804 3268.140625,912.450073
	C3256.800781,915.290833 3248.358887,917.503662 3239.784668,918.358826
	C3237.635498,913.858765 3235.942139,910.435181 3233.518799,907.645142
	C3230.514648,904.185974 3227.917725,900.767090 3229.294434,895.255737
	C3241.772949,890.327820 3252.989990,886.091858 3265.894043,881.574524
	C3281.033691,879.282898 3294.486328,877.272583 3307.938721,875.262207
z"/>
<path fill="#0A204E" opacity="1.000000" stroke="none"
	d="
M3695.718750,1207.862549
	C3704.353516,1205.977295 3709.683594,1212.944458 3717.993652,1215.860596
	C3718.178711,1221.738892 3716.971924,1227.414307 3715.775146,1234.555420
	C3712.091797,1247.015259 3708.398193,1258.009277 3703.983887,1271.694580
	C3700.775391,1280.244141 3698.287842,1286.102295 3694.394287,1291.818359
	C3685.936279,1289.070801 3678.884277,1286.465576 3671.779053,1282.311646
	C3675.264893,1268.884888 3678.803711,1257.006836 3682.980469,1243.880371
	C3687.651611,1231.041992 3691.685303,1219.452271 3695.718750,1207.862549
z"/>
<path fill="#051841" opacity="1.000000" stroke="none"
	d="
M3642.715332,1156.008911
	C3647.870361,1162.480591 3653.917236,1168.054443 3651.958496,1178.245239
	C3651.997803,1179.796753 3651.772461,1179.889038 3651.113525,1179.704102
	C3649.444092,1179.540161 3648.692139,1179.991821 3646.886230,1181.701294
	C3639.749268,1184.617432 3633.925049,1186.706299 3626.610352,1188.710938
	C3612.813965,1192.928711 3600.508301,1197.230347 3586.941650,1201.532959
	C3582.435547,1202.240356 3579.190430,1202.946899 3575.941406,1202.223877
	C3574.728516,1197.321167 3573.599365,1193.817261 3572.287842,1190.383057
	C3570.973633,1186.942017 3569.477295,1183.570435 3568.426270,1179.355225
	C3568.791748,1178.542114 3569.442383,1176.882202 3570.899658,1176.755005
	C3581.596191,1173.521484 3590.835449,1170.415161 3600.074463,1167.308838
	C3609.645020,1164.842285 3619.215332,1162.375854 3631.090820,1159.855713
	C3634.479492,1159.551270 3635.358643,1158.983521 3636.033203,1158.098755
	C3636.033203,1158.098755 3636.224365,1157.078979 3636.126953,1156.569580
	C3637.811523,1156.027222 3639.593262,1155.994385 3642.715332,1156.008911
z"/>
<path fill="#808B9E" opacity="1.000000" stroke="none"
	d="
M3376.219482,862.908203
	C3358.748291,865.031433 3341.277100,867.154663 3321.566406,868.047119
	C3312.499268,861.713440 3306.252686,855.444458 3298.746094,851.704956
	C3261.927979,833.363403 3224.766846,815.711487 3187.747070,797.773682
	C3180.575684,794.298889 3173.462891,790.698914 3166.384277,787.038635
	C3161.778809,784.657166 3160.157959,780.390259 3160.327148,774.393311
	C3168.643311,766.190002 3176.300049,759.126160 3183.957031,752.062256
	C3184.646484,752.066895 3185.335938,752.071533 3187.677979,753.350220
	C3192.805664,757.579163 3195.886230,761.303406 3199.837158,763.331787
	C3208.611084,767.836304 3218.033447,771.075500 3226.816162,775.564575
	C3263.854248,794.495911 3300.806885,813.596069 3337.673096,832.859985
	C3348.769043,838.658020 3359.388672,845.362000 3370.416260,851.298706
	C3375.366699,853.963928 3376.089600,858.142639 3376.219482,862.908203
z"/>
<path fill="#939EB2" opacity="1.000000" stroke="none"
	d="
M3377.899414,863.110229
	C3376.089600,858.142639 3375.366699,853.963928 3370.416260,851.298706
	C3359.388672,845.362000 3348.769043,838.658020 3337.673096,832.859985
	C3300.806885,813.596069 3263.854248,794.495911 3226.816162,775.564575
	C3218.033447,771.075500 3208.611084,767.836304 3199.837158,763.331787
	C3195.886230,761.303406 3192.805664,757.579163 3188.711426,753.391724
	C3197.735596,745.430786 3207.378906,738.702576 3218.597412,733.196106
	C3222.508545,737.460693 3224.212891,741.677612 3227.293945,743.335449
	C3238.384033,749.302612 3249.937012,754.410156 3261.318604,759.835266
	C3269.079834,763.534729 3276.951416,767.019470 3284.587402,770.961182
	C3296.958008,777.346924 3309.156494,784.065796 3321.466553,790.570190
	C3327.266357,793.634644 3333.252441,796.355042 3338.983398,799.538757
	C3347.668701,804.363525 3356.200439,809.463257 3364.804443,814.434326
	C3382.011963,824.376282 3399.240723,834.281860 3416.425537,844.262756
	C3422.318115,847.685242 3427.451172,851.793884 3428.091064,859.329773
	C3411.920410,860.657227 3395.749756,861.984741 3377.899414,863.110229
z"/>
<path fill="#A3AEC3" opacity="1.000000" stroke="none"
	d="
M3429.395508,859.620850
	C3427.451172,851.793884 3422.318115,847.685242 3416.425537,844.262756
	C3399.240723,834.281860 3382.011963,824.376282 3364.804443,814.434326
	C3356.200439,809.463257 3347.668701,804.363525 3338.983398,799.538757
	C3333.252441,796.355042 3327.266357,793.634644 3321.466553,790.570190
	C3309.156494,784.065796 3296.958008,777.346924 3284.587402,770.961182
	C3276.951416,767.019470 3269.079834,763.534729 3261.318604,759.835266
	C3249.937012,754.410156 3238.384033,749.302612 3227.293945,743.335449
	C3224.212891,741.677612 3222.508545,737.460693 3219.968750,732.970337
	C3228.288330,726.604797 3236.812256,721.686768 3246.688232,716.608398
	C3248.342041,720.623840 3249.684814,724.330750 3253.503418,726.488220
	C3257.547119,728.772888 3261.768066,730.741455 3265.889160,732.891907
	C3297.657959,749.469666 3329.727051,765.504272 3361.086426,782.823975
	C3384.831543,795.938416 3407.712402,810.624512 3430.892090,824.752319
	C3443.330078,832.333252 3455.700928,840.039734 3467.847412,848.074707
	C3470.961182,850.134583 3473.108643,853.655090 3475.916016,857.834595
	C3463.932861,859.462158 3451.733887,859.759583 3437.746094,860.440186
	C3434.204834,860.519531 3432.452148,860.215698 3429.395508,859.620850
z"/>
<path fill="#939EB2" opacity="1.000000" stroke="none"
	d="
M2851.135986,624.214478
	C2851.135986,624.214417 2851.125244,622.390747 2852.537109,620.817017
	C2858.112305,616.754395 2862.235352,616.110535 2867.184082,617.524841
	C2896.377686,625.867737 2926.369141,631.279114 2955.047119,641.554993
	C2964.963379,645.108093 2975.025391,648.253723 2985.024170,651.575623
	C3015.127686,661.576965 3045.206055,671.655518 3075.367188,681.479919
	C3079.664307,682.879700 3084.365479,683.038879 3088.879639,683.772217
	C3094.073486,691.087097 3091.838135,700.029846 3092.564453,709.784424
	C3082.602051,713.486450 3075.182373,709.737976 3067.716553,707.308655
	C3041.898193,698.907471 3016.290771,689.858093 2990.482666,681.424988
	C2969.065186,674.426697 2947.555420,667.684753 2925.937744,661.335815
	C2911.916748,657.217896 2897.609375,654.182190 2881.717285,655.850037
	C2870.807373,644.824951 2860.971680,634.519714 2851.135986,624.214478
z"/>
<path fill="#A3AEC3" opacity="1.000000" stroke="none"
	d="
M3088.781250,682.228027
	C3084.365479,683.038879 3079.664307,682.879700 3075.367188,681.479919
	C3045.206055,671.655518 3015.127686,661.576965 2985.024170,651.575623
	C2975.025391,648.253723 2964.963379,645.108093 2955.047119,641.554993
	C2926.369141,631.279114 2896.377686,625.867737 2867.184082,617.524841
	C2862.235352,616.110535 2858.112305,616.754395 2852.524414,619.905212
	C2839.465576,609.354919 2827.831543,598.142578 2815.585449,585.713745
	C2822.941895,583.851379 2830.544678,584.593201 2838.488770,586.684998
	C2866.570312,594.079285 2895.134033,599.677246 2923.121094,607.386780
	C2957.379150,616.823669 2992.331543,624.044495 3025.200439,638.246826
	C3034.842529,642.413025 3045.244385,644.786194 3055.156982,648.371643
	C3062.115967,650.888611 3069.080322,652.647034 3078.162109,651.987671
	C3082.764648,661.558228 3085.723877,671.121033 3088.781250,682.228027
z"/>
<path fill="#8590A2" opacity="1.000000" stroke="none"
	d="
M2882.791016,656.569824
	C2897.609375,654.182190 2911.916748,657.217896 2925.937744,661.335815
	C2947.555420,667.684753 2969.065186,674.426697 2990.482666,681.424988
	C3016.290771,689.858093 3041.898193,698.907471 3067.716553,707.308655
	C3075.182373,709.737976 3082.602051,713.486450 3092.790771,711.359314
	C3094.634521,711.118958 3095.783447,711.452881 3096.210938,713.251587
	C3097.401123,724.642212 3098.163574,734.234131 3097.410156,743.859741
	C3087.677734,741.768921 3079.208252,740.330200 3071.286133,737.407227
	C3024.368896,720.095520 2977.084473,703.989075 2928.654053,691.355408
	C2921.597168,689.514526 2914.779053,687.203979 2906.222168,687.655640
	C2897.643311,676.848083 2890.217285,666.708923 2882.791016,656.569824
z"/>
<path fill="#0C2964" opacity="1.000000" stroke="none"
	d="
M3098.926025,743.826050
	C3098.163574,734.234131 3097.401123,724.642212 3096.774170,713.453247
	C3103.328369,713.087219 3110.092285,713.415710 3116.102295,715.714661
	C3135.777100,723.241150 3155.185791,731.465454 3174.677734,739.467224
	C3179.138428,741.298279 3182.703857,744.067932 3183.803955,750.628540
	C3176.300049,759.126160 3168.643311,766.190002 3159.129395,774.968994
	C3148.836182,785.775391 3140.399658,794.866821 3130.777588,804.566284
	C3123.278076,813.777100 3114.900391,820.998901 3110.529541,832.394287
	C3099.388184,836.772705 3099.388184,836.772705 3094.667969,825.752808
	C3095.739502,814.914856 3096.325195,805.734558 3097.745605,795.242554
	C3098.820068,786.570557 3099.059326,779.210144 3099.556885,770.114990
	C3099.518799,760.195496 3099.222412,752.010803 3098.926025,743.826050
z"/>
<path fill="#305BA0" opacity="1.000000" stroke="none"
	d="
M3262.866699,707.804871
	C3263.245605,708.855591 3262.532471,709.553528 3260.679199,709.642944
	C3260.483398,708.635193 3261.228760,708.107849 3262.866699,707.804871
z"/>
<path fill="#1649A9" opacity="1.000000" stroke="none"
	d="
M3566.969238,867.188965
	C3563.614014,867.647583 3559.107666,867.400574 3553.548584,866.327759
	C3556.936523,865.829041 3561.377686,866.156189 3566.969238,867.188965
z"/>
<path fill="#83A4E3" opacity="1.000000" stroke="none"
	d="
M3636.470215,3713.643066
	C3636.440186,3723.595459 3629.401611,3728.891113 3622.704834,3734.447510
	C3616.083496,3739.941895 3609.495605,3745.478027 3602.948242,3751.060791
	C3586.317383,3765.241943 3569.946045,3779.738525 3553.045654,3793.590332
	C3532.038330,3810.808350 3510.739990,3827.680420 3489.294922,3844.352051
	C3478.833496,3852.484619 3467.792969,3859.878418 3456.948975,3867.513428
	C3416.242920,3896.173340 3374.632812,3923.428711 3331.512939,3948.351074
	C3326.934082,3950.997314 3322.514893,3954.114990 3318.632080,3957.678467
	C3316.970703,3959.203857 3316.875244,3962.434814 3314.467773,3966.502197
	C3297.910156,3964.113037 3282.953369,3960.112549 3268.139160,3954.703125
	C3270.668457,3950.292480 3272.463135,3946.322754 3275.536133,3944.443848
	C3297.027588,3931.305664 3318.980713,3918.919434 3340.402588,3905.672363
	C3365.774170,3889.982910 3391.101807,3874.175049 3415.805908,3857.468506
	C3435.527832,3844.131104 3454.439941,3829.572021 3473.430420,3815.184326
	C3493.473389,3799.999023 3513.366211,3784.602051 3532.981689,3768.869873
	C3548.973633,3756.044189 3564.814697,3742.981445 3580.028320,3729.254150
	C3588.170898,3721.906738 3598.737549,3715.916260 3601.769531,3703.327148
	C3614.346680,3706.840820 3625.408447,3710.241943 3636.470215,3713.643066
z"/>
<path fill="#83A4E3" opacity="1.000000" stroke="none"
	d="
M3968.968506,3311.649170
	C3963.228271,3311.979004 3959.083740,3314.514648 3956.125000,3319.656982
	C3947.571533,3334.523193 3939.281006,3349.584717 3929.892334,3363.917969
	C3908.479980,3396.608154 3886.780273,3429.120605 3864.593506,3461.289062
	C3851.459717,3480.331299 3837.549072,3498.871826 3823.305176,3517.104492
	C3809.059570,3535.339111 3793.342773,3552.441406 3779.425781,3570.910156
	C3766.952637,3587.462891 3751.993408,3601.498779 3737.804688,3616.354980
	C3735.095703,3619.191162 3733.166016,3622.773193 3730.888916,3626.019775
	C3727.794922,3630.430420 3724.447754,3634.519043 3716.543945,3634.701172
	C3711.855469,3624.347656 3709.410645,3615.020996 3707.645020,3604.365234
	C3712.789551,3598.116943 3717.289307,3593.228516 3721.713135,3588.271973
	C3733.642090,3574.906982 3745.979004,3561.874268 3757.334717,3548.037109
	C3770.771484,3531.663818 3783.341797,3514.580078 3796.303711,3497.816406
	C3812.107910,3477.377197 3829.061523,3457.717529 3843.515137,3436.364746
	C3878.493164,3384.690186 3914.536621,3333.615479 3943.019775,3277.857178
	C3946.435303,3271.170898 3951.362549,3267.817871 3959.045898,3268.154297
	C3963.657471,3283.329102 3968.731689,3296.955566 3968.968506,3311.649170
z"/>
<path fill="#0F2D6A" opacity="1.000000" stroke="none"
	d="
M4010.157959,3435.905762
	C4006.449219,3438.245117 4002.444336,3440.230713 3999.112061,3443.019775
	C3995.507568,3446.036377 3991.872803,3448.235107 3985.669922,3447.948730
	C3983.274658,3432.727295 3981.932617,3417.519287 3981.335693,3402.282227
	C3980.293701,3375.695557 3976.516602,3349.455811 3973.820312,3321.580811
	C3980.289062,3320.218262 3983.903809,3317.868896 3987.380615,3314.711670
	C3990.191650,3312.159180 3993.514160,3310.170410 3997.479004,3308.865723
	C3999.765381,3314.635742 4001.183105,3319.471191 4002.750488,3326.087891
	C4004.948242,3346.652832 4006.996338,3365.436768 4008.845459,3385.924805
	C4009.092529,3394.711914 4009.732422,3401.789795 4009.936035,3408.880127
	C4010.195312,3417.883301 4010.100098,3426.896729 4010.157959,3435.905762
z"/>
<path fill="#0F2D6A" opacity="1.000000" stroke="none"
	d="
M3719.545410,3655.936523
	C3725.187744,3676.198730 3730.915527,3696.438232 3736.381348,3716.747803
	C3737.213623,3719.840088 3737.173584,3723.283691 3736.934082,3726.520264
	C3736.571045,3731.422852 3732.824219,3735.313232 3727.861816,3735.299561
	C3722.656494,3735.285156 3717.320801,3734.761230 3712.274658,3733.517090
	C3696.929199,3729.733887 3681.696045,3725.495361 3665.390625,3719.137451
	C3668.647949,3709.693115 3671.069336,3700.715088 3682.911621,3699.470459
	C3690.609619,3700.823486 3696.788330,3702.199951 3704.882568,3704.002930
	C3703.711914,3697.701660 3703.034424,3693.296631 3702.058105,3688.959229
	C3700.181885,3680.622070 3698.135742,3672.323486 3697.594727,3663.998535
	C3702.507080,3662.817627 3706.036621,3661.778076 3709.448486,3660.438965
	C3712.875244,3659.093750 3716.184814,3657.449951 3719.545410,3655.936523
z"/>
<path fill="#0A255B" opacity="1.000000" stroke="none"
	d="
M3267.996338,3956.111816
	C3282.953369,3960.112549 3297.910156,3964.113037 3314.450684,3967.950684
	C3331.692139,3973.741699 3348.410645,3973.747070 3367.411865,3977.691650
	C3374.940918,3979.112305 3379.705566,3979.294922 3384.470459,3979.477539
	C3384.470459,3979.477783 3386.300537,3979.437744 3387.024658,3981.084717
	C3385.660645,3985.994873 3383.462402,3989.193604 3381.515381,3992.539062
	C3379.589355,3995.848633 3377.916992,3999.306396 3374.475586,4002.923828
	C3355.261230,4001.014404 3337.704590,3998.880371 3318.574707,3996.280273
	C3300.741699,3992.716064 3284.481689,3989.618164 3267.483887,3985.779297
	C3264.439697,3983.509277 3262.133545,3981.979980 3259.987793,3979.097412
	C3261.619141,3974.954834 3262.632568,3971.762939 3264.657715,3969.461670
	C3268.587158,3964.996582 3266.498779,3961.241943 3265.129639,3956.988770
	C3266.085449,3956.697266 3267.996338,3956.111816 3267.996338,3956.111816
z"/>
<path fill="#0D3075" opacity="1.000000" stroke="none"
	d="
M3376.133301,4002.699219
	C3377.916992,3999.306396 3379.589355,3995.848633 3381.515381,3992.539062
	C3383.462402,3989.193604 3385.660645,3985.994873 3387.882324,3981.404297
	C3397.641113,3980.221191 3407.266113,3980.365479 3419.956543,3981.795898
	C3445.364746,3983.095459 3467.707520,3983.108643 3490.050537,3983.122070
	C3493.921143,3982.528564 3497.791992,3981.934814 3503.113770,3981.683105
	C3504.565674,3991.037109 3497.171631,3996.355713 3493.078125,4004.682129
	C3489.294189,4006.268799 3486.190430,4006.836182 3479.696289,4007.417236
	C3460.206543,4007.666016 3444.107178,4007.901123 3426.288574,4007.779785
	C3418.808105,4006.708008 3413.047363,4005.992432 3406.675293,4004.952637
	C3405.161377,4004.287598 3404.239502,4004.222900 3401.590820,4004.595215
	C3391.864502,4004.743164 3383.844727,4004.729980 3375.961914,4004.221436
	C3376.098389,4003.726074 3376.133545,4002.699219 3376.133301,4002.699219
z"/>
<path fill="#0A204E" opacity="1.000000" stroke="none"
	d="
M3996.609863,3307.931641
	C3993.514160,3310.170410 3990.191650,3312.159180 3987.380615,3314.711670
	C3983.903809,3317.868896 3980.289062,3320.218262 3974.003174,3319.910889
	C3971.884521,3317.744141 3971.167725,3315.568848 3969.709717,3312.521484
	C3968.731689,3296.955566 3963.657471,3283.329102 3958.821289,3266.631348
	C3956.083496,3255.844971 3954.189209,3247.890869 3953.642090,3239.791504
	C3957.884277,3237.307861 3960.872559,3235.074463 3963.650879,3232.604736
	C3966.924316,3229.695068 3970.015625,3226.580811 3974.097168,3223.618896
	C3975.008057,3223.682373 3976.817383,3223.935303 3976.839844,3225.411133
	C3981.517822,3240.634766 3986.173340,3254.382324 3991.036133,3269.816895
	C3993.032227,3283.646240 3994.821045,3295.789062 3996.609863,3307.931641
z"/>
<path fill="#071C4A" opacity="1.000000" stroke="none"
	d="
M3719.528809,3654.480957
	C3716.184814,3657.449951 3712.875244,3659.093750 3709.448486,3660.438965
	C3706.036621,3661.778076 3702.507080,3662.817627 3696.835205,3662.777344
	C3691.094238,3651.710938 3687.546875,3641.855469 3684.080566,3630.512207
	C3680.791504,3619.079834 3677.421631,3609.135254 3673.902344,3597.768799
	C3673.308350,3593.554199 3672.864014,3590.761719 3673.772461,3587.817383
	C3683.574951,3584.645752 3688.547363,3577.956055 3693.975098,3571.792969
	C3698.951416,3583.806152 3702.958496,3594.750000 3706.965820,3605.694092
	C3709.410645,3615.020996 3711.855469,3624.347656 3715.156982,3634.837891
	C3717.179688,3641.675781 3718.345703,3647.350342 3719.528809,3654.480957
z"/>
<path fill="#0A204E" opacity="1.000000" stroke="none"
	d="
M3681.392090,3699.494141
	C3671.069336,3700.715088 3668.647949,3709.693115 3664.211914,3718.252441
	C3655.911865,3717.833984 3647.761963,3716.004150 3638.041260,3713.908691
	C3625.408447,3710.241943 3614.346680,3706.840820 3601.722168,3702.572021
	C3600.159180,3701.704346 3599.890869,3700.213867 3599.940430,3698.769531
	C3601.531006,3693.326172 3603.062256,3689.323975 3604.615723,3685.330322
	C3605.736572,3682.448242 3606.886963,3679.577637 3609.510986,3676.661133
	C3617.710938,3678.479004 3624.424072,3680.337646 3632.388428,3682.868652
	C3649.557129,3688.858398 3665.474609,3694.176270 3681.392090,3699.494141
z"/>
<path fill="#123E92" opacity="1.000000" stroke="none"
	d="
M3488.504883,3982.177490
	C3467.707520,3983.108643 3445.364746,3983.095459 3421.732178,3982.148193
	C3442.614746,3981.220459 3464.786865,3981.226807 3488.504883,3982.177490
z"/>
<path fill="#3D4F76" opacity="1.000000" stroke="none"
	d="
M3383.315430,3978.638184
	C3379.705566,3979.294922 3374.940918,3979.112305 3369.086670,3978.000488
	C3372.718262,3977.313965 3377.439453,3977.556396 3383.315430,3978.638184
z"/>
<path fill="#C6D2E7" opacity="1.000000" stroke="none"
	d="
M3592.055420,3999.629395
	C3593.043701,3998.523926 3595.228516,3997.680420 3598.585938,3997.128174
	C3597.589844,3998.243408 3595.420898,3999.067627 3592.055420,3999.629395
z"/>
<path fill="#909BAF" opacity="1.000000" stroke="none"
	d="
M3096.847656,4155.928711
	C3094.877930,4164.608398 3092.907959,4173.288086 3088.413574,4183.061523
	C3082.033691,4185.007324 3078.072021,4185.534668 3074.339600,4186.760742
	C3046.584717,4195.877441 3018.936523,4205.323730 2991.120605,4214.247559
	C2980.454590,4217.668945 2969.071533,4219.037109 2958.653809,4223.014648
	C2934.428711,4232.263184 2908.995850,4236.933594 2884.105713,4243.562012
	C2872.771240,4246.580078 2860.950439,4249.665039 2849.205322,4246.926758
	C2851.641846,4242.294434 2852.871338,4237.661133 2855.839844,4235.798340
	C2869.002441,4227.537109 2877.055176,4214.333496 2889.757812,4204.019531
	C2912.635498,4206.147461 2931.602051,4196.679688 2951.473877,4192.340332
	C2966.880127,4188.976562 2981.673096,4182.769531 2996.699951,4177.710938
	C3029.946289,4166.518555 3063.168213,4155.251953 3096.480469,4145.506836
	C3096.656494,4149.974609 3096.752197,4152.951660 3096.847656,4155.928711
z"/>
<path fill="#808B9E" opacity="1.000000" stroke="none"
	d="
M3320.147705,3996.746582
	C3337.704590,3998.880371 3355.261230,4001.014404 3374.475830,4002.923828
	C3376.133545,4002.699219 3376.098389,4003.726074 3375.857666,4005.572021
	C3373.790527,4013.620361 3369.140137,4017.176514 3363.779541,4020.081543
	C3331.832520,4037.395752 3300.029053,4054.982178 3267.894531,4071.941406
	C3246.236328,4083.372314 3224.078857,4093.854736 3202.219727,4104.910645
	C3197.007324,4107.546387 3190.888672,4109.193848 3188.336914,4115.428223
	C3187.652588,4115.463867 3186.968018,4115.500000 3184.554688,4114.439453
	C3175.197754,4106.264648 3167.569580,4099.185547 3160.137695,4090.664062
	C3162.202637,4086.633301 3163.506836,4082.857666 3166.035156,4081.655518
	C3179.167236,4075.410400 3192.694824,4070.003418 3205.924805,4063.954834
	C3219.718262,4057.649170 3233.493652,4051.264404 3246.980469,4044.336670
	C3264.646484,4035.262695 3282.015625,4025.611328 3299.527344,4016.236084
	C3303.034912,4014.358154 3306.770508,4012.858643 3310.115723,4010.735107
	C3315.262939,4007.467041 3319.612061,4003.418213 3320.147705,3996.746582
z"/>
<path fill="#A2ADC1" opacity="1.000000" stroke="none"
	d="
M2848.798584,4248.200195
	C2860.950439,4249.665039 2872.771240,4246.580078 2884.105713,4243.562012
	C2908.995850,4236.933594 2934.428711,4232.263184 2958.653809,4223.014648
	C2969.071533,4219.037109 2980.454590,4217.668945 2991.120605,4214.247559
	C3018.936523,4205.323730 3046.584717,4195.877441 3074.339600,4186.760742
	C3078.072021,4185.534668 3082.033691,4185.007324 3087.555664,4184.234375
	C3086.701904,4194.071777 3084.181641,4203.831543 3080.795898,4214.799316
	C3074.122070,4216.955566 3067.936523,4216.929199 3062.566895,4219.008789
	C3028.598877,4232.163086 2993.862549,4242.825684 2958.684326,4252.141602
	C2956.768311,4252.649414 2954.773682,4252.958984 2952.944824,4253.685547
	C2923.326416,4265.448730 2891.059814,4267.596191 2861.332275,4278.945801
	C2846.778809,4279.020996 2832.972656,4285.875977 2816.311523,4283.456055
	C2823.186279,4273.891113 2831.920410,4264.572754 2842.119141,4253.502930
	C2845.321777,4250.567871 2847.060303,4249.384277 2848.798584,4248.200195
z"/>
<path fill="#A3AEC3" opacity="1.000000" stroke="none"
	d="
M3428.007812,4008.136230
	C3444.107178,4007.901123 3460.206543,4007.666016 3478.135498,4007.723633
	C3479.935303,4014.063232 3476.399170,4017.372559 3471.482422,4020.363281
	C3449.441162,4033.770020 3427.710205,4047.687500 3405.637207,4061.040527
	C3388.651855,4071.316162 3371.554688,4081.452881 3354.095459,4090.888672
	C3326.166748,4105.982910 3297.897217,4120.446289 3269.768799,4135.170898
	C3265.655518,4137.323730 3261.173340,4138.982422 3257.529053,4141.749023
	C3255.114746,4143.581543 3253.890869,4146.982422 3251.929199,4151.133789
	C3241.570068,4148.005371 3231.416504,4143.424316 3220.721680,4136.241211
	C3220.961182,4129.368164 3223.513916,4126.587402 3227.356689,4124.713867
	C3259.549561,4109.020508 3292.195312,4094.172119 3323.768066,4077.315430
	C3355.359863,4060.448975 3385.892822,4041.595947 3416.841797,4023.531738
	C3422.742432,4020.087891 3427.771240,4015.792969 3428.007812,4008.136230
z"/>
<path fill="#939EB2" opacity="1.000000" stroke="none"
	d="
M3426.288574,4007.779785
	C3427.771240,4015.792969 3422.742432,4020.087891 3416.841797,4023.531738
	C3385.892822,4041.595947 3355.359863,4060.448975 3323.768066,4077.315430
	C3292.195312,4094.172119 3259.549561,4109.020508 3227.356689,4124.713867
	C3223.513916,4126.587402 3220.961182,4129.368164 3219.938965,4135.117676
	C3209.891357,4130.162109 3200.085693,4123.728516 3189.308350,4116.361328
	C3190.888672,4109.193848 3197.007324,4107.546387 3202.219727,4104.910645
	C3224.078857,4093.854736 3246.236328,4083.372314 3267.894531,4071.941406
	C3300.029053,4054.982178 3331.832520,4037.395752 3363.779541,4020.081543
	C3369.140137,4017.176514 3373.790527,4013.620361 3375.721191,4006.067383
	C3383.844727,4004.729980 3391.864502,4004.743164 3402.156494,4005.158691
	C3404.428955,4005.561279 3405.922852,4006.068115 3405.922852,4006.068115
	C3405.922852,4006.068115 3407.286377,4005.276855 3407.286377,4005.276855
	C3413.047363,4005.992432 3418.808105,4006.708008 3426.288574,4007.779785
z"/>
<path fill="#0C2964" opacity="1.000000" stroke="none"
	d="
M3159.941406,4092.106934
	C3167.569580,4099.185547 3175.197754,4106.264648 3183.526855,4114.436523
	C3183.912354,4121.338867 3181.308350,4125.645020 3175.875000,4127.992676
	C3167.382324,4131.662109 3158.917236,4135.403320 3150.342285,4138.871582
	C3138.089844,4143.826660 3125.821777,4148.763672 3113.405029,4153.281250
	C3109.151855,4154.828613 3104.431641,4155.091309 3098.386230,4155.934570
	C3096.752197,4152.951660 3096.656494,4149.974609 3097.456787,4144.262695
	C3098.708008,4130.405762 3099.063477,4119.284180 3099.720703,4106.403320
	C3099.680176,4095.203613 3099.337891,4085.762939 3099.242676,4074.745605
	C3098.143799,4064.872803 3096.797607,4056.577148 3095.580078,4046.742676
	C3095.784912,4043.295654 3095.577881,4041.323975 3095.987549,4039.490234
	C3097.595703,4032.290039 3099.378662,4031.291504 3106.683838,4033.510254
	C3108.479004,4034.055664 3110.087402,4035.216797 3112.038574,4037.389893
	C3115.511719,4046.019287 3120.697266,4051.658691 3127.676270,4057.417480
	C3136.599609,4071.863525 3147.427979,4082.789795 3159.941406,4092.106934
z"/>
<path fill="#9FAABE" opacity="1.000000" stroke="none"
	d="
M3256.325439,4157.240234
	C3258.051025,4156.431152 3260.193848,4156.791992 3263.081055,4157.953125
	C3261.464600,4158.639648 3259.103516,4158.524902 3256.325439,4157.240234
z"/>
<path fill="#A8B4C8" opacity="1.000000" stroke="none"
	d="
M4012.996338,3491.812988
	C4011.664551,3475.852295 4011.772461,3459.799072 4013.492676,3441.723633
	C4018.020508,3437.207275 4021.503906,3435.131348 4023.721436,3432.122803
	C4027.239990,3427.348877 4029.906250,3421.948242 4032.943604,3416.818848
	C4043.070557,3399.715820 4053.392578,3382.724365 4063.257324,3365.471924
	C4068.813721,3355.754639 4072.346436,3344.617920 4079.111816,3335.927734
	C4086.177246,3326.852295 4091.314697,3317.032471 4096.437500,3307.013916
	C4108.799805,3282.837891 4119.611328,3257.886230 4132.874023,3234.159912
	C4135.430176,3229.587158 4137.142090,3224.115723 4143.846191,3224.054199
	C4149.029785,3233.780029 4154.213379,3243.506104 4159.519531,3254.636230
	C4157.328125,3257.150146 4154.220703,3257.670898 4152.867676,3259.493896
	C4150.133301,3263.178467 4148.328125,3267.557861 4146.179688,3271.671631
	C4129.918457,3302.807861 4114.438965,3334.384521 4097.196777,3364.967529
	C4079.668213,3396.058594 4060.406738,3426.172363 4041.902832,3456.713379
	C4037.445312,3464.070801 4032.799805,3471.321777 4028.580811,3478.813232
	C4025.237305,3484.750488 4021.662354,3490.162354 4012.996338,3491.812988
z"/>
<path fill="#96A1B5" opacity="1.000000" stroke="none"
	d="
M4143.602539,3222.698730
	C4137.142090,3224.115723 4135.430176,3229.587158 4132.874023,3234.159912
	C4119.611328,3257.886230 4108.799805,3282.837891 4096.437500,3307.013916
	C4091.314697,3317.032471 4086.177246,3326.852295 4079.111816,3335.927734
	C4072.346436,3344.617920 4068.813721,3355.754639 4063.257324,3365.471924
	C4053.392578,3382.724365 4043.070557,3399.715820 4032.943604,3416.818848
	C4029.906250,3421.948242 4027.239990,3427.348877 4023.721436,3432.122803
	C4021.503906,3435.131348 4018.020508,3437.207275 4013.729980,3439.889160
	C4012.010742,3439.370605 4011.666504,3438.664551 4010.740234,3436.932129
	C4010.100098,3426.896729 4010.195312,3417.883301 4009.936035,3408.880127
	C4009.732422,3401.789795 4009.092529,3394.711914 4010.157715,3385.672852
	C4013.793945,3382.220703 4016.712646,3381.195312 4017.924072,3379.155762
	C4032.739502,3354.214355 4048.258301,3329.623047 4061.686035,3303.942871
	C4077.592529,3273.522705 4091.622314,3242.122314 4106.511230,3211.168945
	C4108.802734,3206.405273 4110.687012,3201.218262 4113.986328,3197.246826
	C4116.213379,3194.565918 4120.594727,3193.675293 4124.012695,3191.983887
	C4130.461426,3201.770264 4136.909668,3211.556885 4143.602539,3222.698730
z"/>
<path fill="#808B9E" opacity="1.000000" stroke="none"
	d="
M4123.661621,3190.744629
	C4120.594727,3193.675293 4116.213379,3194.565918 4113.986328,3197.246826
	C4110.687012,3201.218262 4108.802734,3206.405273 4106.511230,3211.168945
	C4091.622314,3242.122314 4077.592529,3273.522705 4061.686035,3303.942871
	C4048.258301,3329.623047 4032.739502,3354.214355 4017.924072,3379.155762
	C4016.712646,3381.195312 4013.793945,3382.220703 4010.356445,3383.968994
	C4006.996338,3365.436768 4004.948242,3346.652832 4004.158203,3325.570312
	C4008.310791,3320.610352 4012.140137,3318.466553 4013.947510,3315.202881
	C4025.113770,3295.038330 4035.853516,3274.636963 4046.666748,3254.277832
	C4049.413818,3249.105957 4052.030518,3243.857666 4054.505371,3238.550293
	C4067.026855,3211.699707 4079.493896,3184.823730 4091.919189,3157.928223
	C4092.452637,3156.773926 4092.385010,3155.341797 4093.817139,3154.651123
	C4101.754883,3162.288330 4108.472168,3169.313721 4115.189941,3176.339111
	C4117.896973,3180.727783 4120.603516,3185.116699 4123.661621,3190.744629
z"/>
<path fill="#8590A2" opacity="1.000000" stroke="none"
	d="
M4163.468262,3089.401367
	C4161.573730,3090.441406 4159.679199,3091.481445 4155.055664,3092.832275
	C4143.898438,3093.458008 4135.470215,3093.772949 4127.358887,3092.266113
	C4129.012207,3084.024902 4129.748047,3077.406250 4131.803711,3071.226318
	C4137.003418,3055.592773 4143.086914,3040.252686 4148.271484,3024.614502
	C4153.868164,3007.735107 4158.133301,2990.386719 4164.310547,2973.736328
	C4169.598145,2959.484131 4173.665527,2945.032471 4177.409180,2930.344482
	C4179.429199,2922.418945 4180.242676,2914.862061 4180.143555,2905.872559
	C4195.179688,2893.658691 4209.413086,2882.495605 4223.761230,2873.041016
	C4224.479492,2882.129883 4222.869629,2889.042725 4220.669434,2896.125000
	C4213.622559,2918.806641 4207.499023,2941.774658 4200.479492,2964.465332
	C4190.717773,2996.017090 4181.106934,3027.645020 4170.061035,3058.753418
	C4166.448730,3068.926514 4163.536621,3078.715576 4163.468262,3089.401367
z"/>
<path fill="#96A1B5" opacity="1.000000" stroke="none"
	d="
M4164.703125,3089.572266
	C4163.536621,3078.715576 4166.448730,3068.926514 4170.061035,3058.753418
	C4181.106934,3027.645020 4190.717773,2996.017090 4200.479492,2964.465332
	C4207.499023,2941.774658 4213.622559,2918.806641 4220.669434,2896.125000
	C4222.869629,2889.042725 4224.479492,2882.129883 4224.433594,2871.924805
	C4234.723145,2860.584717 4244.455566,2852.068848 4255.548340,2844.298340
	C4257.653320,2847.452393 4259.500000,2850.135498 4258.978027,2852.228760
	C4251.474609,2882.322998 4244.035645,2912.444092 4235.777344,2942.336426
	C4229.967285,2963.364990 4223.009277,2984.079102 4216.429199,3004.891113
	C4212.049805,3018.741943 4207.395020,3032.504883 4202.935547,3046.330811
	C4198.895020,3058.859375 4192.371582,3070.684326 4192.105957,3084.290527
	C4187.785156,3085.602783 4183.464355,3086.915039 4176.332520,3088.192383
	C4172.606445,3088.337891 4171.691406,3088.518066 4170.776367,3088.698242
	C4169.163574,3089.046631 4167.551270,3089.395020 4164.703125,3089.572266
z"/>
<path fill="#A3AEC3" opacity="1.000000" stroke="none"
	d="
M4193.637207,3084.277344
	C4192.371582,3070.684326 4198.895020,3058.859375 4202.935547,3046.330811
	C4207.395020,3032.504883 4212.049805,3018.741943 4216.429199,3004.891113
	C4223.009277,2984.079102 4229.967285,2963.364990 4235.777344,2942.336426
	C4244.035645,2912.444092 4251.474609,2882.322998 4258.978027,2852.228760
	C4259.500000,2850.135498 4257.653320,2847.452393 4256.183594,2843.153809
	C4258.240234,2837.995850 4261.021973,2834.727539 4263.803223,2831.459229
	C4270.867676,2824.930664 4277.932129,2818.402100 4286.374023,2813.021973
	C4287.615723,2818.803467 4288.152832,2823.577148 4287.218750,2828.042969
	C4284.384766,2841.592285 4281.237793,2855.088867 4277.750488,2868.485596
	C4268.777832,2902.959717 4260.437988,2937.555420 4249.145020,2971.460205
	C4240.393555,2997.735840 4233.375977,3024.636475 4223.707520,3050.644043
	C4220.612793,3058.968506 4219.596680,3067.295898 4220.025391,3075.981934
	C4219.127930,3076.867676 4218.180176,3077.696045 4216.636719,3079.234863
	C4209.116699,3081.423584 4202.142578,3082.843994 4193.637207,3084.277344
z"/>
<path fill="#0C2964" opacity="1.000000" stroke="none"
	d="
M4127.041992,3094.087891
	C4135.470215,3093.772949 4143.898438,3093.458008 4154.115234,3093.377441
	C4155.121094,3109.223389 4146.118652,3122.102295 4141.507324,3136.449707
	C4138.498535,3145.810303 4134.000977,3154.702881 4130.009277,3163.733887
	C4127.597168,3169.191650 4125.147461,3174.778320 4116.687500,3176.109375
	C4108.472168,3169.313721 4101.754883,3162.288330 4093.482910,3153.480469
	C4084.492676,3141.453613 4075.054688,3133.470947 4063.561279,3126.033691
	C4056.763428,3120.552490 4050.572021,3116.162598 4043.645752,3110.532227
	C4041.635498,3107.851562 4040.124512,3106.557617 4039.124756,3104.946533
	C4034.131348,3096.898193 4035.688477,3093.208496 4044.565674,3092.013428
	C4047.095703,3091.672852 4049.685303,3091.775391 4053.827148,3091.858643
	C4064.905029,3094.218994 4074.295410,3097.323975 4086.025391,3095.573242
	C4100.888672,3095.688965 4114.102051,3098.109375 4127.041992,3094.087891
z"/>
<path fill="#536A99" opacity="1.000000" stroke="none"
	d="
M4179.333008,3148.404541
	C4178.495117,3149.719971 4176.382812,3150.715820 4173.072266,3151.740967
	C4173.935547,3150.541748 4175.997070,3149.313477 4179.333008,3148.404541
z"/>
<path fill="#8590A2" opacity="1.000000" stroke="none"
	d="
M4171.429688,3089.228271
	C4171.691406,3088.518066 4172.606445,3088.337891 4174.921875,3088.157227
	C4174.909180,3088.690430 4173.496094,3089.224365 4171.429688,3089.228271
z"/>
<path fill="#83A4E3" opacity="1.000000" stroke="none"
	d="
M904.468445,1559.950073
	C910.806763,1560.307373 916.101440,1558.973267 919.649109,1552.827148
	C927.593079,1539.065063 935.538757,1525.279541 944.136414,1511.923828
	C963.496704,1481.849487 982.522156,1451.516968 1003.063232,1422.257935
	C1022.036926,1395.231445 1042.583252,1369.291870 1062.860718,1343.203003
	C1078.669800,1322.863159 1095.005127,1302.926880 1111.349731,1283.010986
	C1120.159180,1272.276611 1129.266602,1261.766113 1138.658325,1251.539185
	C1143.475098,1246.294067 1147.856201,1239.789429 1158.521484,1241.327148
	C1163.855591,1253.705688 1167.050171,1264.738525 1168.673462,1275.861572
	C1156.384888,1278.266235 1151.032349,1287.084839 1144.742432,1294.638428
	C1135.020874,1306.312866 1125.576904,1318.218262 1115.981812,1329.998657
	C1101.371094,1347.936768 1086.352661,1365.558960 1072.220215,1383.865723
	C1060.102539,1399.562378 1049.197998,1416.189209 1037.381470,1432.126343
	C1010.917725,1467.818481 986.698059,1504.960327 964.226929,1543.279785
	C952.836304,1562.703979 940.773010,1581.734863 929.461365,1601.203613
	C926.261475,1606.710938 922.153320,1608.413086 915.687256,1606.597656
	C911.474792,1590.154907 907.971619,1575.052490 904.468445,1559.950073
z"/>
<path fill="#83A4E3" opacity="1.000000" stroke="none"
	d="
M1239.907471,1156.223999
	C1241.560913,1143.567017 1252.564453,1138.134521 1260.339111,1130.383179
	C1267.324951,1123.418091 1275.384277,1117.536743 1282.893066,1111.087646
	C1293.924927,1101.612793 1304.568115,1091.654541 1315.948608,1082.622681
	C1338.700195,1064.566284 1361.736328,1046.863037 1384.842651,1029.260132
	C1423.276855,999.980042 1462.984375,972.555420 1504.448242,947.696167
	C1522.606323,936.809631 1540.617798,925.669678 1558.465210,914.283569
	C1560.935303,912.707703 1562.074463,909.045471 1565.612427,904.796631
	C1581.179199,906.948059 1594.963135,910.652039 1608.442139,915.886536
	C1607.170166,924.357605 1601.668823,926.813354 1596.399902,929.865479
	C1570.558228,944.834473 1544.276611,959.146240 1519.221191,975.346436
	C1482.456177,999.117798 1446.593994,1024.286377 1410.373169,1048.897827
	C1408.183838,1050.385376 1406.228516,1052.216431 1404.155640,1053.876953
	C1388.645752,1066.301636 1373.264404,1078.891724 1357.583740,1091.097046
	C1343.463379,1102.087891 1328.839111,1112.432251 1316.435913,1125.486450
	C1313.242798,1128.847168 1309.570312,1131.754761 1306.093872,1134.843506
	C1297.677002,1142.321655 1288.980347,1149.514404 1280.974609,1157.408569
	C1278.401489,1159.945923 1277.635620,1164.316284 1274.825073,1167.901367
	C1271.992554,1167.772705 1270.377808,1167.590698 1268.131470,1166.656494
	C1266.358521,1165.001099 1265.115601,1164.828125 1262.500977,1164.908936
	C1258.579468,1163.856689 1255.928101,1163.280762 1252.575195,1161.927979
	C1250.525269,1161.000122 1249.176758,1160.849365 1246.695190,1160.352173
	C1243.998047,1159.819336 1242.433960,1159.632935 1240.628174,1158.641113
	C1240.386353,1157.835938 1239.907471,1156.223999 1239.907471,1156.223999
z"/>
<path fill="#0F2D6A" opacity="1.000000" stroke="none"
	d="
M1155.633057,1220.094604
	C1146.281494,1198.791626 1142.358887,1175.920776 1136.448975,1153.624146
	C1136.281006,1152.990723 1136.281494,1152.311523 1136.216431,1151.652344
	C1134.874023,1138.079224 1139.963013,1132.728149 1153.073975,1134.411499
	C1158.307861,1135.083374 1163.499390,1136.338501 1168.603516,1137.721802
	C1187.755859,1142.913086 1206.864258,1148.266724 1226.838257,1156.115723
	C1225.104614,1165.546753 1223.058228,1172.514648 1222.417725,1180.084229
	C1207.482300,1176.272583 1194.167236,1172.176392 1180.710449,1168.615234
	C1177.258789,1167.701904 1173.360107,1168.478271 1168.654175,1168.478271
	C1172.425781,1183.915161 1175.857422,1197.960327 1177.857910,1212.023682
	C1172.951050,1213.328491 1169.459473,1214.574341 1166.003906,1215.912720
	C1162.528442,1217.258667 1159.088501,1218.696899 1155.633057,1220.094604
z"/>
<path fill="#0F2D6A" opacity="1.000000" stroke="none"
	d="
M1421.965820,887.395508
	C1419.702271,881.825439 1421.075928,877.301819 1424.547485,873.064209
	C1426.410400,870.790100 1426.892456,867.384766 1429.706055,862.755493
	C1438.273560,860.659485 1445.132812,860.297852 1453.670776,860.274048
	C1471.520752,861.540039 1487.691895,862.468140 1505.494873,863.818481
	C1523.355957,866.449890 1539.585083,868.659058 1556.584961,871.395996
	C1558.500244,872.429932 1559.500488,873.139526 1560.202393,875.541748
	C1559.496582,882.091553 1556.632446,885.506287 1552.344482,887.940430
	C1548.182617,890.302979 1548.259277,894.389099 1548.172241,898.394958
	C1540.327637,897.493835 1532.461182,896.749817 1524.642212,895.664429
	C1491.176758,891.018860 1457.581055,888.090881 1421.965820,887.395508
z"/>
<path fill="#0F2D6A" opacity="1.000000" stroke="none"
	d="
M864.415771,1436.077271
	C868.373169,1433.952637 872.332458,1431.831543 876.287292,1429.702026
	C879.670593,1427.880371 883.048889,1426.049438 887.635010,1424.206299
	C889.393311,1426.767822 890.409607,1429.341797 890.429260,1431.923462
	C890.717529,1469.733154 894.876526,1507.190430 898.845337,1546.398926
	C894.085571,1550.256592 890.910522,1552.231812 887.750305,1554.230469
	C884.574158,1556.239380 881.412781,1558.271606 877.630371,1559.519775
	C875.816345,1556.400513 874.617004,1554.055176 873.230347,1549.951904
	C870.887939,1530.714478 868.732788,1513.235107 866.770386,1494.133545
	C865.686401,1477.645386 864.409729,1462.779297 863.417358,1446.448120
	C863.939758,1442.014526 864.177795,1439.045898 864.415771,1436.077271
z"/>
<path fill="#0A204E" opacity="1.000000" stroke="none"
	d="
M1549.501587,898.912354
	C1548.259277,894.389099 1548.182617,890.302979 1552.344482,887.940430
	C1556.632446,885.506287 1559.496582,882.091553 1561.900391,875.886597
	C1577.158569,876.757141 1590.564941,878.772156 1604.997070,881.760742
	C1618.643433,885.985291 1631.264282,889.236450 1644.550537,893.403931
	C1647.630127,896.065002 1650.044434,897.809692 1651.322021,900.365967
	C1647.429321,903.825745 1644.896484,906.771484 1641.861572,909.048157
	C1637.910645,912.012268 1636.034424,915.766602 1634.263428,920.510559
	C1624.723267,918.437256 1616.735229,916.396606 1608.747192,914.355957
	C1594.963135,910.652039 1581.179199,906.948059 1565.789917,903.358887
	C1559.733398,902.125671 1555.282227,900.777710 1549.501587,898.912354
z"/>
<path fill="#0A204E" opacity="1.000000" stroke="none"
	d="
M878.244934,1560.293579
	C881.412781,1558.271606 884.574158,1556.239380 887.750305,1554.230469
	C890.910522,1552.231812 894.085571,1550.256592 898.667236,1548.131958
	C901.219727,1551.190308 902.359070,1554.387695 903.983398,1558.767578
	C907.971619,1575.052490 911.474792,1590.154907 915.637085,1608.094238
	C918.949585,1620.584473 921.602966,1630.237671 922.824463,1640.054565
	C915.223877,1642.918457 909.055176,1645.618652 901.979980,1648.291382
	C901.073547,1648.263794 899.270630,1648.065430 899.233398,1646.599121
	C894.709839,1632.686646 890.223450,1620.240234 885.458008,1606.095703
	C882.867615,1589.696167 880.556274,1574.994873 878.244934,1560.293579
z"/>
<path fill="#051841" opacity="1.000000" stroke="none"
	d="
M1223.985352,1179.998779
	C1223.058228,1172.514648 1225.104614,1165.546753 1227.879883,1157.125366
	C1229.905273,1155.803711 1231.738037,1156.028442 1235.424316,1157.532349
	C1237.277588,1158.811401 1238.996216,1159.567017 1238.996216,1159.567017
	C1238.996216,1159.567017 1240.869995,1159.446411 1240.869995,1159.446411
	C1242.433960,1159.632935 1243.998047,1159.819336 1247.385498,1161.160400
	C1250.564819,1162.444946 1251.920898,1162.574951 1253.276855,1162.704834
	C1255.928101,1163.280762 1258.579468,1163.856689 1263.119141,1165.663574
	C1265.007690,1166.894531 1266.819824,1167.630371 1266.819824,1167.630371
	C1266.819824,1167.630371 1268.763184,1167.408691 1268.763184,1167.408691
	C1270.377808,1167.590698 1271.992554,1167.772705 1274.513916,1168.162842
	C1275.420776,1168.370850 1275.611938,1169.161011 1276.263184,1169.916016
	C1276.914551,1170.670898 1278.749146,1171.458862 1278.749146,1171.458862
	C1278.749146,1171.458862 1280.738281,1171.282959 1282.203125,1171.512451
	C1293.128174,1174.397949 1302.588257,1177.053833 1312.182373,1180.395996
	C1312.316162,1181.082275 1312.521484,1182.465332 1311.959351,1183.931641
	C1308.743652,1192.144165 1306.090088,1198.890503 1301.989258,1205.472900
	C1297.682373,1204.935669 1294.822754,1204.562622 1290.728027,1203.375244
	C1277.000488,1198.046021 1264.507935,1193.530884 1251.459961,1188.494141
	C1249.911133,1187.460083 1248.929443,1187.481323 1246.550659,1187.875244
	C1238.089722,1185.142456 1231.037476,1182.570679 1223.985352,1179.998779
z"/>
<path fill="#0A204E" opacity="1.000000" stroke="none"
	d="
M1155.642578,1221.551514
	C1159.088501,1218.696899 1162.528442,1217.258667 1166.003906,1215.912720
	C1169.459473,1214.574341 1172.951050,1213.328491 1178.489868,1213.378052
	C1184.462524,1225.790283 1188.371948,1236.866577 1192.199951,1249.449341
	C1196.396851,1263.368530 1200.675171,1275.781006 1204.433960,1288.067993
	C1203.914429,1287.942383 1202.866699,1287.729614 1201.526733,1287.850342
	C1196.625488,1289.479126 1192.847046,1290.625366 1189.563477,1292.596191
	C1186.191650,1294.619629 1183.303467,1297.448975 1179.303467,1298.944946
	C1175.683716,1290.566528 1172.964355,1283.168945 1170.244873,1275.771362
	C1167.050171,1264.738525 1163.855591,1253.705688 1159.942261,1241.304443
	C1158.033081,1234.293579 1156.842651,1228.651001 1155.642578,1221.551514
z"/>
<path fill="#0F2D6A" opacity="1.000000" stroke="none"
	d="
M1240.628174,1158.641113
	C1240.869995,1159.446411 1238.996216,1159.567017 1238.996216,1159.567017
	C1238.996216,1159.567017 1237.277588,1158.811401 1236.705078,1158.071045
	C1236.132568,1157.330811 1237.975586,1156.623901 1238.941528,1156.423950
	C1239.907471,1156.223999 1240.386353,1157.835938 1240.628174,1158.641113
z"/>
<path fill="#B3BED3" opacity="1.000000" stroke="none"
	d="
M1595.899902,705.303223
	C1603.131348,706.372131 1610.181763,708.857849 1619.605469,712.229126
	C1625.315552,715.436523 1628.652344,717.758484 1631.772705,721.455811
	C1628.757446,729.969421 1621.488281,730.995544 1615.825195,733.977356
	C1582.403198,751.575439 1548.846680,768.917969 1515.340088,786.355347
	C1512.988281,787.579407 1510.617432,788.781616 1508.349976,790.150879
	C1490.238525,801.088013 1472.078125,811.946899 1454.076538,823.062683
	C1439.453247,832.092468 1425.082153,841.530762 1410.478027,850.592468
	C1406.851929,852.842346 1404.214844,855.381592 1403.946411,859.812866
	C1387.638306,860.887329 1371.330078,861.961853 1353.379150,862.691528
	C1352.726807,859.299011 1352.790527,855.125793 1354.876343,853.408630
	C1361.974854,847.564392 1369.693237,842.447144 1377.348511,837.311096
	C1388.317505,829.951965 1399.339600,822.662231 1410.514893,815.621948
	C1441.815186,795.903503 1473.109375,776.173157 1505.951294,759.042297
	C1532.350220,745.272217 1558.638550,731.290161 1585.011597,717.470520
	C1589.758423,714.983154 1594.659058,712.807678 1595.899902,705.303223
z"/>
<path fill="#305BA0" opacity="1.000000" stroke="none"
	d="
M1322.587158,865.075439
	C1320.539429,866.316467 1317.199097,867.189819 1312.525269,867.761963
	C1314.559326,866.543152 1317.927002,865.625427 1322.587158,865.075439
z"/>
<path fill="#B1BCD0" opacity="1.000000" stroke="none"
	d="
M862.058777,1368.097656
	C863.353210,1380.032104 863.295044,1392.137939 861.535217,1406.090576
	C854.731812,1408.115356 851.106201,1410.543091 848.519714,1414.928589
	C840.084229,1429.231201 831.890991,1443.692383 822.987488,1457.700317
	C792.978333,1504.913940 766.743103,1554.196899 741.868530,1604.242676
	C740.089111,1607.822876 738.186157,1611.343384 736.475525,1614.955688
	C733.505737,1621.226562 728.976501,1625.887451 722.658691,1628.788086
	C718.500305,1621.233032 714.341858,1613.677856 710.531372,1604.876221
	C713.382751,1603.039429 716.685059,1603.242798 718.223633,1601.694092
	C721.437866,1598.458130 724.175903,1594.536011 726.305664,1590.474243
	C733.924377,1575.944458 740.700012,1560.954224 748.716858,1546.655273
	C768.735779,1510.949219 789.065613,1475.413330 809.660461,1440.036133
	C820.949036,1420.645020 832.898071,1401.632324 844.824646,1382.621826
	C848.688904,1376.462524 853.410156,1370.832153 862.058777,1368.097656
z"/>
<path fill="#939EB2" opacity="1.000000" stroke="none"
	d="
M863.133057,1447.913086
	C864.409729,1462.779297 865.686401,1477.645386 865.493835,1494.405029
	C858.163330,1498.706177 854.705566,1503.373291 851.644653,1508.703247
	C834.791992,1538.048584 817.505554,1567.143311 803.102173,1597.832886
	C791.257568,1623.070312 779.290527,1648.257812 766.795044,1673.175171
	C764.587891,1677.576294 759.516602,1680.541260 754.602539,1683.507324
	C747.418396,1673.966187 741.399597,1665.087036 735.380798,1656.207886
	C735.426880,1655.526978 735.473022,1654.845947 737.016418,1652.972656
	C741.538574,1649.437134 745.614502,1647.709229 747.408875,1644.645142
	C755.772705,1630.363037 763.699341,1615.813721 771.424561,1601.171143
	C787.199768,1571.270508 802.486389,1541.109619 818.484009,1511.329712
	C827.873657,1493.850586 838.225098,1476.887329 848.183960,1459.715332
	C851.596008,1453.831909 855.624512,1448.646729 863.133057,1447.913086
z"/>
<path fill="#A2ADC1" opacity="1.000000" stroke="none"
	d="
M863.417358,1446.448120
	C855.624512,1448.646729 851.596008,1453.831909 848.183960,1459.715332
	C838.225098,1476.887329 827.873657,1493.850586 818.484009,1511.329712
	C802.486389,1541.109619 787.199768,1571.270508 771.424561,1601.171143
	C763.699341,1615.813721 755.772705,1630.363037 747.408875,1644.645142
	C745.614502,1647.709229 741.538574,1649.437134 737.078918,1651.950684
	C731.564758,1645.219360 727.485352,1638.318115 723.032349,1630.102539
	C728.976501,1625.887451 733.505737,1621.226562 736.475525,1614.955688
	C738.186157,1611.343384 740.089111,1607.822876 741.868530,1604.242676
	C766.743103,1554.196899 792.978333,1504.913940 822.987488,1457.700317
	C831.890991,1443.692383 840.084229,1429.231201 848.519714,1414.928589
	C851.106201,1410.543091 854.731812,1408.115356 861.215332,1407.869385
	C862.976624,1416.062866 863.356079,1424.324341 864.075684,1434.331543
	C864.177795,1439.045898 863.939758,1442.014526 863.417358,1446.448120
z"/>
<path fill="#0D3075" opacity="1.000000" stroke="none"
	d="
M734.203613,1656.858032
	C741.399597,1665.087036 747.418396,1673.966187 755.197632,1684.686890
	C763.468567,1694.921021 769.979065,1703.313599 775.054810,1712.002075
	C772.056641,1713.427979 769.793213,1714.215576 769.045105,1715.744507
	C764.689392,1724.646851 760.658447,1733.709473 756.577942,1742.744873
	C752.500244,1751.773926 748.263428,1760.766357 746.662109,1771.341797
	C739.433044,1772.787842 733.688354,1773.874756 726.263611,1775.000488
	C717.881165,1775.520874 711.178833,1776.002441 703.581909,1776.436523
	C701.462402,1776.616821 700.461853,1777.218018 698.181763,1778.572021
	C692.575928,1779.343872 688.474121,1779.736206 684.372375,1780.128540
	C678.345093,1775.715332 679.619873,1770.080811 681.908447,1764.428223
	C685.549316,1755.435791 689.710693,1746.636597 692.952454,1737.507202
	C694.632080,1732.777222 694.809631,1727.513916 695.395752,1720.858887
	C695.125671,1719.226196 695.304321,1719.278687 696.632935,1719.500977
	C699.928040,1718.494263 701.894592,1717.265259 703.861084,1716.036133
	C703.286987,1714.472900 702.712952,1712.909790 701.707886,1710.160400
	C704.024780,1706.251831 707.640015,1703.986206 709.358459,1700.721802
	C714.612305,1690.742065 718.883362,1680.247314 724.058899,1670.222534
	C726.415466,1665.657837 729.999268,1661.726685 734.203613,1656.858032
z"/>
<path fill="#A2ADC1" opacity="1.000000" stroke="none"
	d="
M1405.651611,860.154358
	C1404.214844,855.381592 1406.851929,852.842346 1410.478027,850.592468
	C1425.082153,841.530762 1439.453247,832.092468 1454.076538,823.062683
	C1472.078125,811.946899 1490.238525,801.088013 1508.349976,790.150879
	C1510.617432,788.781616 1512.988281,787.579407 1515.340088,786.355347
	C1548.846680,768.917969 1582.403198,751.575439 1615.825195,733.977356
	C1621.488281,730.995544 1628.757446,729.969421 1633.135986,721.560791
	C1641.772217,724.219604 1648.828857,728.148804 1655.865967,733.039856
	C1655.846436,734.001648 1656.032349,735.919861 1655.822266,737.307495
	C1654.209717,743.957520 1649.337769,745.242676 1645.351196,747.315125
	C1607.756348,766.859131 1570.046021,786.180969 1532.493652,805.805786
	C1517.845947,813.460754 1503.394531,821.513489 1489.082153,829.780457
	C1478.794678,835.722534 1468.927368,842.387939 1458.788574,848.593323
	C1454.458374,851.243652 1452.105835,854.865356 1451.991943,859.936218
	C1445.132812,860.297852 1438.273560,860.659485 1429.733154,861.386169
	C1421.153687,861.332764 1414.255249,860.914307 1405.651611,860.154358
z"/>
<path fill="#103C8D" opacity="1.000000" stroke="none"
	d="
M1655.885376,732.078064
	C1648.828857,728.148804 1641.772217,724.219604 1633.352417,720.185425
	C1628.652344,717.758484 1625.315552,715.436523 1621.007324,712.334778
	C1620.162598,703.408997 1626.311401,700.708618 1632.361694,697.904907
	C1647.819702,690.741577 1663.272705,683.567261 1680.118164,675.752808
	C1687.266357,679.581360 1692.948608,684.156250 1698.807617,688.492126
	C1702.811890,691.455444 1707.062988,694.085327 1711.096680,699.431519
	C1702.873047,711.023987 1691.476074,714.656860 1680.851685,718.895081
	C1672.800293,722.106934 1666.113159,726.479797 1658.903564,732.089111
	C1657.228271,732.067017 1656.556763,732.072571 1655.885376,732.078064
z"/>
<path fill="#83A4E3" opacity="1.000000" stroke="none"
	d="
M2900.648926,4137.203613
	C2897.282227,4131.540527 2891.943848,4131.150391 2886.709229,4133.049805
	C2866.108398,4140.526367 2844.422607,4143.492676 2823.287598,4148.721680
	C2797.057617,4155.211426 2770.757812,4161.413574 2743.788574,4164.250977
	C2737.921631,4164.868652 2732.222900,4166.942871 2726.376709,4167.932129
	C2705.588867,4171.452148 2684.853027,4175.004395 2663.717773,4176.452637
	C2646.701172,4177.618652 2629.875732,4181.414062 2612.918213,4183.689453
	C2607.691895,4184.390625 2602.282959,4183.618652 2597.004883,4184.073242
	C2589.146973,4184.749512 2581.343750,4186.045410 2573.492920,4186.829102
	C2567.574219,4187.420898 2561.621338,4187.758789 2555.675293,4187.973145
	C2541.830811,4188.471680 2527.972656,4186.982422 2514.238525,4191.264160
	C2508.176270,4193.154297 2501.070312,4191.696777 2492.845215,4190.204590
	C2496.742188,4179.058105 2502.232178,4169.466309 2509.455566,4159.912109
	C2529.391357,4154.973145 2548.032959,4156.151367 2566.581787,4155.951660
	C2569.895752,4155.916016 2573.550049,4156.287598 2576.453369,4155.063477
	C2585.429443,4151.278320 2594.741943,4152.159180 2604.016357,4151.992188
	C2608.671631,4151.908691 2613.448242,4152.386719 2617.959473,4151.518066
	C2638.107910,4147.637695 2658.383057,4144.979492 2678.870361,4143.851562
	C2681.491699,4143.707520 2684.078369,4142.943359 2686.681641,4142.467773
	C2698.373291,4140.332520 2710.039795,4138.044434 2721.763184,4136.099121
	C2738.695068,4133.289551 2755.943604,4132.176270 2772.229736,4126.029785
	C2775.275391,4124.880371 2778.774902,4123.863281 2781.907959,4124.209473
	C2792.907715,4125.421875 2802.796387,4120.711426 2813.204346,4118.923828
	C2824.263672,4117.024902 2835.194824,4114.306641 2846.104248,4111.629395
	C2858.936035,4108.480469 2872.294434,4106.403320 2884.286621,4101.226074
	C2894.931152,4096.630371 2906.219971,4096.372559 2916.910156,4092.943359
	C2918.904297,4092.303467 2922.214355,4095.764893 2924.589355,4098.671387
	C2916.391113,4112.407227 2908.520020,4124.805176 2900.648926,4137.203613
z"/>
<path fill="#83A4E3" opacity="1.000000" stroke="none"
	d="
M2383.437500,4192.070312
	C2374.127686,4192.045410 2364.817871,4192.026855 2355.508057,4191.993652
	C2352.183594,4191.981445 2348.626709,4192.700684 2345.572998,4191.775391
	C2328.688477,4186.659668 2310.826416,4190.839355 2294.324463,4187.258789
	C2275.999512,4183.282227 2257.065674,4187.200195 2239.283447,4180.675781
	C2236.888428,4179.797363 2234.011475,4179.955566 2231.374268,4180.060059
	C2214.648193,4180.717773 2198.667969,4176.028320 2182.386475,4173.459473
	C2169.355957,4171.403320 2156.198730,4170.118652 2143.201904,4167.886230
	C2126.291260,4164.981934 2109.492432,4161.431152 2092.629395,4158.243164
	C2056.231445,4151.361328 2020.323120,4142.411133 1984.518433,4132.983887
	C1980.775635,4131.998535 1976.620850,4132.578125 1969.943848,4131.774414
	C1961.002930,4121.832520 1954.775513,4112.548340 1948.364746,4102.072266
	C1947.805054,4099.320801 1947.428711,4097.760742 1948.430176,4095.702637
	C1952.970703,4094.726318 1956.384888,4093.221680 1959.258057,4093.925781
	C1997.203247,4103.222168 2034.893555,4113.646484 2073.040771,4121.991699
	C2090.420654,4125.793945 2107.600342,4130.665039 2125.525391,4132.740234
	C2142.504395,4134.706055 2159.147705,4139.523438 2176.404785,4140.999023
	C2190.163818,4142.175781 2203.681641,4147.021484 2217.407715,4147.535156
	C2235.340088,4148.206055 2252.735840,4154.198730 2270.837891,4152.173340
	C2272.764404,4151.957520 2274.998291,4152.145508 2276.730957,4152.933594
	C2285.620605,4156.980957 2295.018799,4155.794922 2304.291504,4156.005371
	C2308.948486,4156.111328 2313.958252,4155.207520 2318.197021,4156.609375
	C2333.885254,4161.797852 2349.792725,4159.895996 2366.574463,4160.264648
	C2372.777832,4171.524414 2378.107666,4181.797363 2383.437500,4192.070312
z"/>
<path fill="#0C2964" opacity="1.000000" stroke="none"
	d="
M2485.548340,4196.719727
	C2473.665771,4217.986816 2461.826904,4239.278320 2449.837891,4260.484863
	C2448.568115,4262.730957 2446.578613,4264.651855 2444.649902,4266.426758
	C2439.546631,4271.122559 2433.864014,4271.124023 2428.888916,4266.019531
	C2425.697510,4262.745117 2422.761719,4259.051270 2420.464111,4255.106445
	C2410.500977,4238.000000 2400.814453,4220.732422 2392.638672,4201.912598
	C2401.894287,4200.172363 2409.538330,4200.042969 2418.224609,4200.616211
	C2425.949707,4207.991699 2427.578125,4218.892578 2437.864502,4223.735352
	C2440.048584,4221.128906 2442.289551,4218.895508 2444.012695,4216.316406
	C2449.377686,4208.284180 2454.546631,4200.121094 2461.419922,4192.038086
	C2470.548096,4193.618164 2478.048096,4195.168945 2485.548340,4196.719727
z"/>
<path fill="#0F2D6A" opacity="1.000000" stroke="none"
	d="
M2849.205322,4246.926758
	C2847.060303,4249.384277 2845.321777,4250.567871 2842.660889,4252.242188
	C2833.429443,4251.413086 2824.571289,4253.285645 2815.137695,4247.850098
	C2820.698730,4238.789551 2828.166016,4230.480469 2835.242432,4221.851074
	C2854.042969,4198.925781 2872.674805,4175.861816 2894.360352,4152.322266
	C2906.108887,4151.809082 2914.870605,4151.826172 2923.296387,4153.050293
	C2921.621338,4157.291016 2920.282959,4160.324707 2917.905273,4164.178711
	C2907.247559,4177.997559 2897.629395,4190.997559 2888.011475,4203.997070
	C2877.055176,4214.333496 2869.002441,4227.537109 2855.839844,4235.798340
	C2852.871338,4237.661133 2851.641846,4242.294434 2849.205322,4246.926758
z"/>
<path fill="#0D3075" opacity="1.000000" stroke="none"
	d="
M2082.348145,4269.921875
	C2073.592529,4271.580566 2064.530762,4271.801270 2052.404785,4271.504883
	C2042.373291,4264.580078 2035.406006,4258.171875 2027.904541,4250.532715
	C2018.208618,4239.548828 2009.046753,4229.796387 1999.431152,4218.799805
	C1992.586182,4209.062500 1986.194824,4200.568359 1981.650879,4192.045898
	C1992.244385,4191.878906 2000.990723,4191.740234 2009.736938,4191.602051
	C2026.741577,4210.619629 2043.729004,4229.652344 2060.772949,4248.634766
	C2062.917236,4251.022949 2065.313232,4253.194336 2067.673828,4255.377441
	C2072.433350,4259.778809 2077.249512,4264.118652 2082.348145,4269.921875
z"/>
<path fill="#0A255B" opacity="1.000000" stroke="none"
	d="
M2009.132324,4190.307617
	C2000.990723,4191.740234 1992.244385,4191.878906 1980.885254,4191.919922
	C1978.272339,4191.822266 1976.735229,4191.599121 1976.202881,4190.344238
	C1967.846436,4179.375488 1960.022461,4169.662109 1952.122314,4158.546387
	C1945.078491,4146.193848 1938.110962,4135.244141 1930.841919,4123.039551
	C1928.332397,4117.199707 1926.124268,4112.614258 1925.583008,4108.021484
	C1931.069946,4107.992676 1934.890015,4107.948730 1938.710205,4107.954102
	C1942.748413,4107.959473 1946.204346,4106.790039 1948.548096,4103.263672
	C1954.775513,4112.548340 1961.002930,4121.832520 1968.119141,4131.965820
	C1979.181885,4153.656250 1994.254028,4171.054199 2009.132324,4190.307617
z"/>
<path fill="#0A204E" opacity="1.000000" stroke="none"
	d="
M2923.632324,4151.843750
	C2914.870605,4151.826172 2906.108887,4151.809082 2895.419434,4151.693848
	C2895.654785,4147.660645 2897.817871,4143.726074 2900.314941,4138.497070
	C2908.520020,4124.805176 2916.391113,4112.407227 2925.644043,4097.792969
	C2932.448486,4086.058105 2937.871094,4076.539307 2943.984863,4068.289307
	C2947.316895,4073.377441 2950.251953,4075.897217 2955.544434,4074.269043
	C2959.617188,4073.016602 2964.005615,4072.791260 2968.098145,4073.481445
	C2966.567627,4079.206299 2965.192627,4083.559082 2962.797852,4088.792236
	C2955.761963,4101.058594 2949.745605,4112.444824 2942.719727,4124.700195
	C2935.684326,4134.327148 2929.658203,4143.085449 2923.632324,4151.843750
z"/>
<path fill="#071C4A" opacity="1.000000" stroke="none"
	d="
M2417.182373,4199.913574
	C2409.538330,4200.042969 2401.894287,4200.172363 2392.326416,4200.494141
	C2388.600586,4198.351074 2386.798828,4196.015137 2384.217285,4192.875000
	C2378.107666,4181.797363 2372.777832,4171.524414 2366.192627,4158.869141
	C2361.439697,4148.564941 2357.941895,4140.644043 2356.340088,4132.518555
	C2365.859619,4132.141602 2373.483154,4131.969238 2382.161377,4132.518066
	C2387.333984,4139.624023 2391.451660,4146.009277 2395.791016,4153.812500
	C2400.386963,4164.142578 2404.835938,4173.018066 2409.109131,4181.977539
	C2411.930908,4187.894043 2414.500244,4193.930664 2417.182373,4199.913574
z"/>
<path fill="#051841" opacity="1.000000" stroke="none"
	d="
M2486.297852,4196.152344
	C2478.048096,4195.168945 2470.548096,4193.618164 2461.702148,4190.634766
	C2465.640137,4178.216797 2470.924072,4167.231445 2477.249023,4155.383789
	C2483.108887,4145.619141 2487.927979,4136.716309 2494.268066,4127.863770
	C2503.696289,4129.245605 2511.603516,4130.577637 2519.337891,4133.277344
	C2515.350830,4143.054688 2511.536621,4151.464844 2507.722412,4159.874512
	C2502.232178,4169.466309 2496.742188,4179.058105 2490.989990,4190.047852
	C2489.501221,4192.826172 2488.274658,4194.205566 2486.297852,4196.152344
z"/>
<path fill="#B3BED3" opacity="1.000000" stroke="none"
	d="
M2060.370361,4283.815918
	C2073.307617,4294.959473 2086.245117,4306.102539 2099.482666,4319.587402
	C2099.757324,4322.680176 2099.731445,4323.432129 2099.705811,4324.184082
	C2042.263916,4315.800293 1986.189087,4301.076660 1930.155273,4286.498047
	C1895.066040,4277.368652 1860.680054,4265.526367 1826.022705,4254.758301
	C1821.586914,4253.380371 1817.422729,4250.880859 1812.129883,4255.849609
	C1802.880859,4245.702637 1799.566406,4232.257812 1796.809326,4217.656250
	C1809.334473,4218.180176 1820.076172,4221.017578 1830.701416,4224.993652
	C1846.752563,4231.000000 1863.349243,4235.566895 1879.768555,4240.566406
	C1905.037231,4248.259277 1930.338623,4255.846191 1955.656982,4263.375000
	C1961.999268,4265.261230 1968.418579,4266.933105 1974.873047,4268.390625
	C1990.324341,4271.879395 2006.106567,4274.236328 2021.206299,4278.847168
	C2034.172119,4282.806641 2046.961182,4284.916992 2060.370361,4283.815918
z"/>
<path fill="#7998D3" opacity="1.000000" stroke="none"
	d="
M2100.884277,4324.250000
	C2099.731445,4323.432129 2099.757324,4322.680176 2100.009033,4320.822266
	C2101.238525,4320.472168 2102.190430,4321.288086 2103.700684,4322.877930
	C2103.561035,4323.833984 2102.812012,4324.075195 2100.884277,4324.250000
z"/>
<path fill="#7998D3" opacity="1.000000" stroke="none"
	d="
M2107.996826,4325.507812
	C2109.155273,4324.559570 2110.248291,4325.139160 2111.079102,4327.372070
	C2109.964844,4328.045410 2109.002930,4327.381836 2107.996826,4325.507812
z"/>
<path fill="#0D3075" opacity="1.000000" stroke="none"
	d="
M1724.870605,4180.150391
	C1722.276611,4177.186035 1721.596313,4174.034668 1720.191528,4171.247559
	C1719.549927,4169.975098 1717.480591,4169.421875 1714.822510,4168.742188
	C1699.081665,4162.991211 1684.570679,4157.056152 1670.075562,4151.083496
	C1664.427490,4148.756348 1659.987793,4145.082031 1657.495850,4137.299805
	C1657.941650,4134.578613 1658.356445,4133.924805 1659.982422,4133.026855
	C1666.059204,4129.575684 1670.925049,4126.368652 1677.069092,4122.812500
	C1686.486206,4115.347656 1694.625122,4108.231934 1703.760986,4100.843750
	C1707.182739,4099.077148 1709.607422,4097.584473 1712.671875,4097.302734
	C1728.585205,4110.366699 1746.148804,4117.578613 1764.359985,4123.341309
	C1767.381348,4124.296875 1770.891113,4123.708984 1774.649170,4125.178711
	C1775.542358,4128.376465 1775.961548,4130.229980 1776.248901,4133.676758
	C1777.469604,4143.521973 1778.822266,4151.773926 1780.094238,4161.627441
	C1781.471313,4172.576660 1782.929077,4181.924316 1784.386841,4191.272461
	C1780.155884,4197.408691 1774.552979,4196.400879 1768.756470,4194.245605
	C1757.820801,4190.179199 1746.930908,4185.984863 1735.941040,4182.071289
	C1732.938477,4181.001953 1729.647339,4180.742676 1724.870605,4180.150391
z"/>
<path fill="#A3AEC3" opacity="1.000000" stroke="none"
	d="
M2059.897461,4282.675781
	C2046.961182,4284.916992 2034.172119,4282.806641 2021.206299,4278.847168
	C2006.106567,4274.236328 1990.324341,4271.879395 1974.873047,4268.390625
	C1968.418579,4266.933105 1961.999268,4265.261230 1955.656982,4263.375000
	C1930.338623,4255.846191 1905.037231,4248.259277 1879.768555,4240.566406
	C1863.349243,4235.566895 1846.752563,4231.000000 1830.701416,4224.993652
	C1820.076172,4221.017578 1809.334473,4218.180176 1796.612183,4216.137695
	C1792.553955,4209.204102 1790.167358,4202.247559 1788.706543,4192.700684
	C1793.944580,4187.264648 1798.375732,4187.938965 1802.907104,4189.543457
	C1816.537354,4194.369629 1830.171387,4199.186523 1843.837158,4203.911133
	C1855.620850,4207.984863 1867.289307,4212.512695 1879.292847,4215.803223
	C1902.767578,4222.238281 1925.461182,4231.262207 1949.451904,4236.060547
	C1961.675659,4238.505371 1973.332153,4243.738770 1985.537964,4246.335938
	C1999.621582,4249.333496 2013.680908,4253.664062 2028.438721,4251.763672
	C2035.406006,4258.171875 2042.373291,4264.580078 2050.500977,4271.543457
	C2054.249268,4275.244141 2056.836914,4278.390137 2059.897461,4282.675781
z"/>
<path fill="#939EB2" opacity="1.000000" stroke="none"
	d="
M2027.904663,4250.532715
	C2013.680908,4253.664062 1999.621582,4249.333496 1985.537964,4246.335938
	C1973.332153,4243.738770 1961.675659,4238.505371 1949.451904,4236.060547
	C1925.461182,4231.262207 1902.767578,4222.238281 1879.292847,4215.803223
	C1867.289307,4212.512695 1855.620850,4207.984863 1843.837158,4203.911133
	C1830.171387,4199.186523 1816.537354,4194.369629 1802.907104,4189.543457
	C1798.375732,4187.938965 1793.944580,4187.264648 1788.666626,4191.265625
	C1787.700928,4192.420410 1786.034912,4191.870605 1785.210938,4191.571289
	C1782.929077,4181.924316 1781.471313,4172.576660 1781.741699,4161.616211
	C1789.918701,4161.054199 1796.625244,4161.311523 1802.765991,4163.308594
	C1818.440674,4168.405273 1833.712036,4174.754883 1849.418091,4179.742188
	C1882.715820,4190.315430 1915.991821,4201.055176 1949.672119,4210.283691
	C1966.034302,4214.767578 1982.312012,4221.187988 1999.884888,4220.043457
	C2009.046753,4229.796387 2018.208618,4239.548828 2027.904663,4250.532715
z"/>
<path fill="#83A4E3" opacity="1.000000" stroke="none"
	d="
M2491.543213,680.158447
	C2510.815918,680.107727 2530.088867,680.009644 2549.361572,680.027954
	C2557.959229,680.036133 2566.336914,680.991516 2574.921143,682.623291
	C2591.067871,685.692505 2607.688965,686.211182 2624.084961,688.038147
	C2641.763916,690.008118 2659.431396,692.108948 2677.064697,694.447876
	C2688.164795,695.920349 2699.169189,698.104675 2710.258057,699.675964
	C2750.780029,705.418091 2791.089844,712.132874 2830.667480,722.874451
	C2847.859131,727.540283 2865.301514,731.365356 2882.771240,734.868347
	C2887.652344,735.847107 2893.036133,734.317383 2900.098145,732.952454
	C2902.006592,731.966492 2903.837158,732.370483 2904.238770,733.678101
	C2911.264404,747.011597 2917.888428,759.037537 2923.863281,772.345764
	C2920.828125,777.068909 2918.036133,779.783508 2913.368408,778.462524
	C2910.183105,777.561096 2907.089600,776.330872 2903.896973,775.460327
	C2875.860107,767.815063 2848.142334,758.500183 2819.689453,752.989197
	C2771.198730,743.597229 2722.978271,732.566650 2673.692383,727.265259
	C2652.776611,725.015564 2632.211914,719.490356 2610.935791,719.930664
	C2608.958008,719.971619 2606.783936,720.092041 2605.020508,719.382385
	C2592.866943,714.492004 2580.153320,716.345947 2567.624023,715.999512
	C2561.655029,715.834473 2555.234619,717.085449 2549.804443,715.302185
	C2536.117676,710.807678 2522.214355,712.488037 2507.457031,710.894897
	C2501.539307,699.956116 2496.541260,690.057312 2491.543213,680.158447
z"/>
<path fill="#83A4E3" opacity="1.000000" stroke="none"
	d="
M1970.412231,735.590942
	C1989.524048,738.723083 2007.242310,731.549500 2024.888550,726.772705
	C2054.275146,718.817749 2084.144043,713.720215 2113.938965,708.038391
	C2134.643555,704.089905 2155.358398,700.151062 2176.158447,696.759155
	C2189.163330,694.638489 2202.636230,694.778931 2215.359375,691.685364
	C2232.835938,687.436035 2251.057861,690.225464 2268.263916,684.734253
	C2270.724121,683.949158 2273.525146,684.095581 2276.172119,684.054382
	C2289.397217,683.848877 2302.424561,683.532043 2315.620605,680.651306
	C2326.411377,678.295471 2338.102295,680.013428 2349.394287,680.017944
	C2358.693115,680.021667 2367.991699,680.161072 2378.984131,681.806763
	C2375.202637,692.951599 2369.727539,702.530029 2362.647949,711.889099
	C2352.849121,708.512512 2344.790527,706.827698 2335.871582,709.790100
	C2330.363770,711.619385 2324.168213,711.527405 2318.256836,711.947571
	C2312.961914,712.323914 2307.187988,710.934326 2302.408691,712.587891
	C2291.367676,716.408264 2280.142090,715.413513 2268.925293,716.136841
	C2257.756836,716.857117 2246.670410,718.774170 2235.525635,719.953003
	C2219.769531,721.619385 2203.874268,722.337952 2188.250732,724.805847
	C2158.942139,729.435791 2129.804932,735.300964 2100.720703,741.034363
	C2059.933594,749.074890 2019.131348,757.603149 1979.299072,770.041626
	C1968.706177,773.349426 1957.885986,777.435486 1946.712646,774.290405
	C1954.908691,760.470947 1962.660400,748.030945 1970.412231,735.590942
z"/>
<path fill="#0C2964" opacity="1.000000" stroke="none"
	d="
M2383.895020,679.915161
	C2395.305664,658.938110 2406.674561,637.938171 2418.168213,617.006592
	C2420.082031,613.520874 2422.272949,610.114868 2424.793457,607.048035
	C2432.629395,597.513184 2440.121338,597.444397 2447.781738,606.988953
	C2451.097656,611.120728 2453.897461,615.716309 2456.552002,620.320312
	C2465.196533,635.315369 2473.666260,650.411316 2480.943359,666.789307
	C2471.620605,667.723999 2463.531982,667.276611 2458.386719,675.778076
	C2452.619629,667.006531 2448.137207,658.912964 2443.250732,651.071228
	C2441.664307,648.525330 2439.020996,646.638062 2436.141846,643.721008
	C2433.605469,646.767883 2431.767334,648.545776 2430.444336,650.647705
	C2426.920654,656.246277 2423.718262,662.047119 2420.199707,667.649231
	C2416.724121,673.183167 2413.018066,678.572449 2407.861816,683.539551
	C2399.266846,678.952026 2391.471436,680.216309 2383.895020,679.915161
z"/>
<path fill="#0F2D6A" opacity="1.000000" stroke="none"
	d="
M2903.837158,732.370483
	C2903.837158,732.370483 2902.006592,731.966492 2901.092285,731.760437
	C2886.796875,706.958801 2868.512451,685.963074 2850.737305,664.628601
	C2840.172119,651.947449 2829.003906,639.768433 2817.740234,625.956360
	C2827.422852,624.396973 2837.472412,624.244995 2849.328857,624.153748
	C2860.971680,634.519714 2870.807373,644.824951 2881.717285,655.849976
	C2890.217285,666.708923 2897.643311,676.848083 2906.800781,688.884644
	C2915.358887,700.444214 2922.185547,710.106445 2928.899414,720.735657
	C2928.786621,721.702637 2928.746338,723.649292 2927.023438,723.753052
	C2920.924072,723.938660 2916.547607,724.025391 2912.171387,724.101013
	C2906.746826,724.194824 2904.539551,727.522034 2903.837158,732.370483
z"/>
<path fill="#0F2D6A" opacity="1.000000" stroke="none"
	d="
M2050.423828,633.001526
	C2028.662109,656.903992 2008.151489,681.834167 1988.927002,707.822388
	C1984.198853,714.214111 1979.426392,720.572998 1971.818848,727.492554
	C1965.096313,728.508850 1961.221680,728.927429 1957.363281,729.462341
	C1951.591309,730.262451 1945.830811,731.144531 1940.456299,730.693970
	C1947.007935,719.519592 1953.168579,709.642944 1959.867676,698.519104
	C1969.866821,684.975281 1979.327637,672.678589 1989.878784,659.665771
	C2000.650391,648.626526 2010.331665,638.303528 2021.731689,627.991821
	C2032.850830,627.459961 2042.041016,628.052246 2050.423828,633.001526
z"/>
<path fill="#071C4A" opacity="1.000000" stroke="none"
	d="
M1940.065430,731.991821
	C1945.830811,731.144531 1951.591309,730.262451 1957.363281,729.462341
	C1961.221680,728.927429 1965.096313,728.508850 1970.609619,728.056274
	C1971.842163,729.743408 1971.428589,731.412354 1970.713623,734.336182
	C1962.660400,748.030945 1954.908691,760.470947 1945.745239,775.124512
	C1938.936035,788.886658 1933.538574,800.435181 1927.240234,813.020874
	C1922.704712,821.422363 1919.070190,828.786804 1913.870483,836.120117
	C1904.115234,837.319092 1895.925171,838.549133 1887.816162,838.274048
	C1889.436523,829.964722 1890.975708,823.160522 1893.523926,815.443848
	C1900.139771,802.935547 1905.746704,791.339661 1911.750000,778.403076
	C1918.513916,765.966980 1924.881470,754.871582 1931.955078,742.753601
	C1935.129150,738.484619 1937.597290,735.238220 1940.065430,731.991821
z"/>
<path fill="#133B86" opacity="1.000000" stroke="none"
	d="
M2051.536377,632.459351
	C2042.041016,628.052246 2032.850830,627.459961 2021.789062,627.023804
	C2020.127930,626.044434 2020.203003,624.105896 2021.367065,623.477844
	C2032.726929,612.093689 2042.922852,601.337646 2054.280273,589.814697
	C2059.136230,585.625732 2062.872070,582.247009 2066.515625,578.771790
	C2072.562012,573.004761 2078.549072,567.175781 2084.561035,561.372803
	C2087.215576,559.684265 2089.869873,557.995728 2093.635254,555.893677
	C2101.791504,555.692932 2108.888184,555.487000 2115.857178,556.331909
	C2118.510498,556.653625 2120.871338,559.387939 2123.705566,562.591919
	C2099.093506,585.531128 2076.485352,609.371277 2051.536377,632.459351
z"/>
<path fill="#051841" opacity="1.000000" stroke="none"
	d="
M2383.224609,680.127014
	C2391.471436,680.216309 2399.266846,678.952026 2407.334473,684.942505
	C2401.498291,701.819946 2394.638428,716.808777 2386.724121,732.643188
	C2379.912354,743.790405 2374.155273,754.092102 2367.292480,763.189209
	C2358.500488,761.204041 2350.814697,760.423340 2343.299072,758.269287
	C2344.990723,752.602844 2346.512451,748.309753 2349.044922,743.118286
	C2354.788086,732.182800 2359.520508,722.145691 2364.252686,712.108521
	C2369.727539,702.530029 2375.202637,692.951599 2380.923340,681.976074
	C2381.168701,680.578979 2382.554199,680.338806 2383.224609,680.127014
z"/>
<path fill="#071C4A" opacity="1.000000" stroke="none"
	d="
M2459.514893,676.553711
	C2463.531982,667.276611 2471.620605,667.723999 2481.178711,668.118103
	C2484.959473,671.638550 2487.244385,675.150879 2490.536377,679.410889
	C2496.541260,690.057312 2501.539307,699.956116 2507.638184,712.237549
	C2511.187012,720.394958 2513.634766,726.169739 2514.529785,732.143311
	C2505.700439,733.612549 2498.423584,734.882996 2490.241699,735.682983
	C2487.712891,734.005188 2486.089600,732.797913 2484.197266,730.181519
	C2480.815674,722.168823 2477.684326,715.574158 2474.595215,708.959656
	C2469.553955,698.164490 2464.540283,687.356384 2459.514893,676.553711
z"/>
<path fill="#B3BED3" opacity="1.000000" stroke="none"
	d="
M2083.674316,560.036255
	C2078.549072,567.175781 2072.562012,573.004761 2066.515625,578.771790
	C2062.872070,582.247009 2059.136230,585.625732 2053.517578,588.351562
	C2049.258545,586.689209 2046.398682,584.327698 2044.673096,584.977783
	C2030.941528,590.150818 2016.420410,591.636108 2002.240967,594.630554
	C1982.102661,598.883423 1962.807373,606.067505 1942.998657,611.327026
	C1897.509888,623.405334 1852.431274,636.589355 1808.469971,653.499146
	C1803.699951,655.333923 1798.141724,655.119507 1792.949097,655.855530
	C1797.045654,644.227173 1801.142090,632.598755 1806.261719,619.977417
	C1810.678467,624.470337 1816.179688,624.624329 1821.401733,623.652283
	C1827.213013,622.570618 1832.871582,620.519348 1838.492554,618.587280
	C1889.065796,601.203552 1940.522705,586.819031 1992.402100,574.007629
	C2019.239746,567.380188 2046.412354,562.088135 2073.509277,556.563171
	C2076.339111,555.986145 2079.682617,557.926941 2083.674316,560.036255
z"/>
<path fill="#A2ADC1" opacity="1.000000" stroke="none"
	d="
M1792.287842,657.150879
	C1798.141724,655.119507 1803.699951,655.333923 1808.469971,653.499146
	C1852.431274,636.589355 1897.509888,623.405334 1942.998657,611.327026
	C1962.807373,606.067505 1982.102661,598.883423 2002.240967,594.630554
	C2016.420410,591.636108 2030.941528,590.150818 2044.673096,584.977783
	C2046.398682,584.327698 2049.258545,586.689209 2052.355957,589.118469
	C2042.922852,601.337646 2032.726929,612.093689 2019.995117,622.866943
	C2013.671753,622.288086 2009.576782,620.449951 2006.147949,621.299805
	C1985.709473,626.366028 1965.397095,631.952332 1945.096802,637.561279
	C1926.740112,642.633240 1908.325928,647.553589 1890.167847,653.273376
	C1867.603394,660.380981 1845.175293,667.958191 1822.885986,675.888306
	C1810.453003,680.311768 1798.523193,686.340942 1784.511230,682.936401
	C1784.306030,681.959961 1783.857788,680.015503 1783.857788,680.015503
	C1786.447388,672.825745 1789.036987,665.635925 1792.287842,657.150879
z"/>
<path fill="#0D3075" opacity="1.000000" stroke="none"
	d="
M1782.317383,680.038879
	C1783.857788,680.015503 1784.306030,681.959961 1783.904053,684.449341
	C1781.741211,697.853821 1779.980225,708.768921 1777.513428,721.097900
	C1775.894653,731.053406 1774.981689,739.594971 1772.597778,748.108276
	C1753.647461,748.572571 1738.774902,756.625427 1723.926758,764.579956
	C1719.104858,767.163086 1720.281372,772.469971 1718.660889,776.822266
	C1717.669189,776.791260 1715.707275,777.088379 1714.601318,776.291870
	C1704.817505,766.201355 1696.759399,756.172058 1683.739014,750.037231
	C1675.696289,743.959534 1669.197754,737.651917 1660.062500,734.777527
	C1659.952026,733.895081 1659.907349,732.116882 1659.907349,732.116882
	C1666.113159,726.479797 1672.800293,722.106934 1680.851685,718.895081
	C1691.476074,714.656860 1702.873047,711.023987 1711.586426,700.709290
	C1712.876831,699.622620 1713.570190,699.825256 1715.667603,701.030884
	C1718.013062,701.387939 1718.954712,700.742126 1719.896240,700.096375
	C1719.896240,700.096375 1719.935791,699.960510 1720.004639,699.932983
	C1732.320801,695.812866 1744.552734,691.672485 1756.821411,687.644531
	C1764.778687,685.032166 1772.789795,682.584045 1782.317383,680.038879
z"/>
<path fill="#83A4E3" opacity="1.000000" stroke="none"
	d="
M1559.931885,3967.451172
	C1560.550415,3961.607910 1558.495117,3957.526611 1553.210938,3954.313965
	C1539.074219,3945.719727 1525.435059,3936.303955 1511.259521,3927.777588
	C1480.052368,3909.008057 1449.717773,3888.990723 1420.616089,3867.071289
	C1409.003174,3858.324463 1396.537476,3850.714844 1384.845825,3842.066162
	C1371.567627,3832.244385 1358.600830,3821.989014 1345.715576,3811.651855
	C1325.108765,3795.120117 1304.672241,3778.376465 1284.191406,3761.688232
	C1282.136108,3760.013184 1280.241333,3758.135498 1278.322632,3756.298584
	C1264.438599,3743.005127 1250.567749,3729.697754 1236.510010,3714.809326
	C1240.234375,3711.494385 1244.140991,3709.764893 1249.607666,3707.976562
	C1259.291504,3705.812988 1267.415283,3703.708252 1275.681152,3703.138916
	C1276.340942,3710.442627 1280.022461,3714.360352 1283.991821,3717.905518
	C1297.799805,3730.240234 1311.672485,3742.504883 1325.660156,3754.635010
	C1333.640747,3761.555664 1341.716675,3768.390381 1350.060913,3774.862305
	C1364.665649,3786.190674 1380.037964,3796.585938 1394.131470,3808.504150
	C1415.898315,3826.912354 1440.031250,3842.010986 1462.785522,3859.022461
	C1478.607544,3870.851318 1495.971436,3880.652588 1512.857544,3891.015625
	C1536.539429,3905.548828 1560.427368,3919.746094 1584.204102,3934.124756
	C1590.433105,3937.891602 1596.601685,3941.760254 1602.751709,3945.655029
	C1606.452515,3947.999268 1607.739746,3951.673096 1607.221191,3956.396973
	C1605.272217,3957.460449 1604.342041,3958.270996 1602.063721,3959.347900
	C1586.945312,3962.024902 1573.438599,3964.738037 1559.931885,3967.451172
z"/>
<path fill="#83A4E3" opacity="1.000000" stroke="none"
	d="
M1158.140503,3632.447998
	C1152.531860,3632.190674 1148.171143,3630.178711 1144.634766,3625.353027
	C1139.948242,3618.958008 1134.338745,3613.243896 1129.194214,3607.178955
	C1116.341553,3592.027100 1103.487549,3576.875977 1090.713135,3561.657959
	C1083.043945,3552.521729 1075.786743,3543.027100 1067.885864,3534.099365
	C1043.215942,3506.222900 1022.702820,3475.219971 1000.702698,3445.338623
	C973.514709,3408.411133 949.185913,3369.641357 926.650208,3329.722412
	C924.044861,3325.107666 921.307251,3320.314941 917.587524,3316.669434
	C915.040833,3314.173584 910.683228,3313.525635 905.501648,3310.453857
	C907.933533,3293.906982 911.999084,3278.957520 917.463440,3264.155762
	C925.239319,3265.843994 929.036682,3270.412109 931.847351,3275.846680
	C944.056885,3299.454590 958.168274,3321.918945 972.006348,3344.588623
	C999.690186,3389.941162 1030.648071,3432.995850 1061.967285,3475.811279
	C1074.855469,3493.430908 1088.409790,3510.587158 1102.204102,3527.511719
	C1112.668213,3540.349854 1124.059937,3552.428955 1134.904297,3564.962158
	C1140.095337,3570.961670 1144.860840,3577.328613 1150.026123,3583.351562
	C1155.188843,3589.372070 1159.927856,3596.187744 1169.001343,3597.796387
	C1166.886353,3607.494385 1164.929199,3615.630859 1162.164307,3624.396484
	C1160.284546,3627.499756 1159.212524,3629.973877 1158.140503,3632.447998
z"/>
<path fill="#0C2964" opacity="1.000000" stroke="none"
	d="
M1157.791016,3634.022461
	C1159.212524,3629.973877 1160.284546,3627.499756 1163.616943,3624.580078
	C1168.701782,3625.549561 1171.421143,3627.261719 1174.376099,3628.309082
	C1178.468506,3629.759766 1182.738159,3630.710205 1186.963745,3633.374512
	C1181.305054,3654.669678 1175.608032,3674.463379 1169.930664,3694.262939
	C1169.036987,3697.379883 1167.560547,3700.606445 1171.897827,3703.828857
	C1178.192383,3701.971436 1185.131714,3699.865234 1192.104980,3697.877441
	C1208.024902,3693.339844 1223.961304,3688.859863 1239.934082,3685.782227
	C1242.667358,3694.150146 1245.357422,3701.092529 1248.047607,3708.035156
	C1244.140991,3709.764893 1240.234375,3711.494385 1235.276611,3714.037842
	C1214.370605,3719.896729 1194.511719,3724.927002 1174.662354,3729.994629
	C1168.253052,3731.631104 1161.943970,3733.771240 1155.457764,3734.972168
	C1140.708374,3737.703125 1134.354370,3731.412109 1136.241943,3716.163574
	C1136.725830,3712.253662 1137.885864,3708.412598 1138.908569,3704.586182
	C1145.058105,3681.582275 1151.258301,3658.591797 1157.791016,3634.022461
z"/>
<path fill="#0F2D6A" opacity="1.000000" stroke="none"
	d="
M889.529419,3442.063477
	C883.916382,3444.264893 880.204590,3442.126221 876.656982,3438.821045
	C873.872681,3436.227051 870.356995,3434.417969 865.604980,3430.447266
	C863.820740,3423.114990 863.597778,3417.595947 863.773132,3410.406250
	C865.152893,3393.869385 866.134399,3379.003174 867.546631,3362.486816
	C869.951782,3344.697021 871.926392,3328.557129 874.505737,3311.885742
	C876.118164,3310.105225 877.125916,3308.856689 879.692017,3307.787109
	C887.899353,3310.811279 894.548401,3313.656494 901.197449,3316.501465
	C899.369507,3331.517334 897.081055,3346.494629 895.815674,3361.557617
	C893.612854,3387.781494 892.041016,3414.058105 889.529419,3442.063477
z"/>
<path fill="#0D3075" opacity="1.000000" stroke="none"
	d="
M1404.326294,4006.834473
	C1400.711304,4000.715332 1397.096313,3994.596436 1392.744141,3987.229736
	C1395.950562,3986.113770 1398.695190,3984.407959 1401.498047,3984.305908
	C1418.661499,3983.681396 1435.838257,3983.419922 1454.288330,3982.082520
	C1471.952148,3979.654785 1488.338135,3978.182129 1506.425903,3978.346191
	C1507.983887,3984.833740 1509.968140,3988.652100 1514.145752,3991.013428
	C1517.774902,3993.065186 1519.768921,3995.919189 1519.870361,4000.757812
	C1519.704224,4001.480469 1519.461182,4002.943848 1517.682861,4002.997070
	C1505.172974,4003.971436 1494.441406,4004.892578 1482.295776,4005.523682
	C1477.033813,4005.059082 1473.185791,4004.884766 1468.447998,4004.612549
	C1466.319702,4004.598877 1465.270020,4005.087402 1462.740967,4006.393555
	C1455.369385,4007.341797 1449.666138,4007.876709 1442.159912,4008.148926
	C1428.187622,4008.064209 1416.018188,4008.242188 1404.013184,4008.037598
	C1404.177612,4007.654541 1404.326294,4006.834473 1404.326294,4006.834473
z"/>
<path fill="#0A255B" opacity="1.000000" stroke="none"
	d="
M1520.036377,4000.034912
	C1519.768921,3995.919189 1517.774902,3993.065186 1514.145752,3991.013428
	C1509.968140,3988.652100 1507.983887,3984.833740 1508.090332,3978.604248
	C1512.158813,3976.643311 1516.264771,3976.061768 1523.262695,3975.778320
	C1529.432617,3975.053223 1532.710449,3974.029785 1535.988281,3973.006836
	C1539.036133,3972.430420 1542.083984,3971.854004 1547.701416,3971.079102
	C1552.268188,3969.971436 1554.265381,3969.062256 1556.262573,3968.153076
	C1556.262573,3968.153076 1558.168701,3968.176025 1559.050293,3967.813477
	C1573.438599,3964.738037 1586.945312,3962.024902 1602.283569,3960.814941
	C1606.806396,3968.516602 1609.497803,3974.715088 1611.503174,3981.708984
	C1608.471558,3983.988037 1606.125977,3985.472168 1602.147949,3987.138672
	C1587.136841,3990.904785 1572.863159,3990.410400 1558.313843,3996.168457
	C1544.448120,3997.421631 1532.242310,3998.728271 1520.036377,4000.034912
z"/>
<path fill="#0A204E" opacity="1.000000" stroke="none"
	d="
M901.843445,3315.863281
	C894.548401,3313.656494 887.899353,3310.811279 880.039001,3306.103027
	C881.061218,3289.552979 883.294861,3274.865967 886.398926,3259.154541
	C891.245056,3245.506836 895.220703,3232.883789 899.784302,3219.340576
	C901.454651,3217.469727 902.536987,3216.518799 904.258057,3216.789062
	C910.293579,3223.894531 914.389282,3231.544434 923.826782,3233.462158
	C921.243469,3244.651123 918.654114,3254.329834 916.064697,3264.008301
	C911.999084,3278.957520 907.933533,3293.906982 904.029419,3310.437744
	C903.482544,3313.012939 902.915405,3314.081543 901.843445,3315.863281
z"/>
<path fill="#36476D" opacity="1.000000" stroke="none"
	d="
M1534.680420,3972.732910
	C1532.710449,3974.029785 1529.432617,3975.053223 1524.821289,3975.817871
	C1526.782837,3974.525635 1530.077637,3973.492432 1534.680420,3972.732910
z"/>
<path fill="#1649A9" opacity="1.000000" stroke="none"
	d="
M1299.796509,3974.861816
	C1298.506836,3975.427490 1296.359009,3975.274658 1293.372437,3974.449707
	C1294.668579,3973.899414 1296.803467,3974.021484 1299.796509,3974.861816
z"/>
<path fill="#7897D1" opacity="1.000000" stroke="none"
	d="
M1555.151245,3967.985352
	C1554.265381,3969.062256 1552.268188,3969.971436 1549.177856,3970.600586
	C1550.069824,3969.486328 1552.054810,3968.652100 1555.151245,3967.985352
z"/>
<path fill="#B1BCD0" opacity="1.000000" stroke="none"
	d="
M862.557129,3456.239990
	C863.117188,3470.960205 863.677246,3485.680420 863.924805,3502.224121
	C856.825012,3503.820801 852.660095,3499.514404 849.370728,3494.356445
	C836.166870,3473.651855 822.666138,3453.116211 810.133545,3432.008301
	C791.494080,3400.615723 773.210632,3368.997070 755.491455,3337.077393
	C743.906616,3316.208008 733.631348,3294.613037 722.664551,3273.397461
	C720.598206,3269.400391 719.255432,3264.389404 712.014648,3264.334717
	C711.742676,3252.797363 719.757324,3244.584473 726.253967,3235.399414
	C732.512817,3243.861328 737.755066,3251.566162 741.808228,3259.852783
	C767.123718,3311.610352 793.935120,3362.553467 824.006409,3411.722656
	C831.915466,3424.654541 840.744019,3437.020996 848.924683,3449.791504
	C852.239868,3454.966797 857.018555,3456.199463 862.557129,3456.239990
z"/>
<path fill="#B1BCD0" opacity="1.000000" stroke="none"
	d="
M1364.455566,4008.732178
	C1376.583984,4007.387695 1388.660522,4007.500244 1402.531738,4007.223633
	C1404.326294,4006.834473 1404.177612,4007.654541 1404.209717,4009.396729
	C1407.573242,4015.108887 1410.341431,4019.796631 1414.331543,4022.926758
	C1433.649048,4038.080811 1455.759521,4048.900879 1476.399780,4062.027100
	C1492.588379,4072.322266 1509.345947,4081.783691 1526.240967,4090.892090
	C1545.452515,4101.248535 1565.167480,4110.666504 1584.528198,4120.752441
	C1596.200195,4126.832520 1607.593506,4133.445801 1619.153198,4139.743652
	C1624.205200,4142.496094 1623.926636,4147.220215 1623.966309,4151.885254
	C1618.285522,4154.674316 1612.604736,4157.463379 1605.556519,4160.307617
	C1600.987183,4153.262695 1594.977783,4149.387695 1588.276367,4146.116699
	C1575.173706,4139.722168 1562.253174,4132.951660 1549.115845,4126.629883
	C1513.893555,4109.681152 1480.845459,4088.888184 1447.361938,4068.904053
	C1423.547974,4054.690918 1400.462158,4039.261475 1376.948120,4024.540039
	C1371.228882,4020.959229 1365.575073,4017.612549 1364.455566,4008.732178
z"/>
<path fill="#B1BCD0" opacity="1.000000" stroke="none"
	d="
M1357.217651,4006.539062
	C1358.559082,4005.843262 1360.746704,4005.827148 1363.706543,4006.632812
	C1362.340576,4007.375977 1360.202148,4007.297363 1357.217651,4006.539062
z"/>
<path fill="#BFCBDF" opacity="1.000000" stroke="none"
	d="
M1309.255371,4002.348145
	C1310.712402,4001.640869 1313.110352,4001.706055 1316.469482,4002.553711
	C1315.019165,4003.264404 1312.607666,4003.192383 1309.255371,4002.348145
z"/>
<path fill="#A3AEC3" opacity="1.000000" stroke="none"
	d="
M1625.368408,4151.789551
	C1623.926636,4147.220215 1624.205200,4142.496094 1619.153198,4139.743652
	C1607.593506,4133.445801 1596.200195,4126.832520 1584.528198,4120.752441
	C1565.167480,4110.666504 1545.452515,4101.248535 1526.240967,4090.892090
	C1509.345947,4081.783691 1492.588379,4072.322266 1476.399780,4062.027100
	C1455.759521,4048.900879 1433.649048,4038.080811 1414.331543,4022.926758
	C1410.341431,4019.796631 1407.573242,4015.108887 1404.045288,4009.779785
	C1416.018188,4008.242188 1428.187622,4008.064209 1442.332642,4009.513672
	C1448.063232,4020.751465 1457.552856,4023.680420 1465.225952,4028.345947
	C1483.891724,4039.695557 1502.256470,4051.488281 1521.871216,4061.367676
	C1550.259399,4075.666016 1577.345459,4092.575195 1605.876221,4106.555664
	C1623.623901,4115.251953 1641.539307,4123.562988 1658.771362,4133.270508
	C1658.356445,4133.924805 1657.941650,4134.578613 1656.830078,4136.163086
	C1653.617554,4137.440918 1650.711548,4137.095703 1648.655884,4138.256348
	C1641.206665,4142.462402 1634.042358,4147.173340 1625.368408,4151.789551
z"/>
<path fill="#9FAABE" opacity="1.000000" stroke="none"
	d="
M862.963135,3454.538086
	C857.018555,3456.199463 852.239868,3454.966797 848.924683,3449.791504
	C840.744019,3437.020996 831.915466,3424.654541 824.006409,3411.722656
	C793.935120,3362.553467 767.123718,3311.610352 741.808228,3259.852783
	C737.755066,3251.566162 732.512817,3243.861328 727.202637,3234.314209
	C728.634521,3227.464111 730.684021,3222.187012 733.714233,3214.898682
	C736.315369,3211.149902 737.935791,3209.412842 740.809082,3208.334961
	C743.829712,3210.928223 746.124817,3212.592285 747.276672,3214.841553
	C753.272339,3226.549805 759.556946,3238.093994 765.283264,3249.967285
	C777.587585,3275.479736 791.889709,3300.023193 804.447327,3325.421143
	C816.187073,3349.164551 829.977539,3371.679443 843.325928,3394.477295
	C848.065125,3402.571777 853.192505,3410.196289 863.374878,3412.076904
	C863.597778,3417.595947 863.820740,3423.114990 864.288452,3430.274414
	C864.145142,3438.888672 863.757080,3445.862305 862.963135,3454.538086
z"/>
<path fill="#0D3075" opacity="1.000000" stroke="none"
	d="
M739.556274,3207.675537
	C737.935791,3209.412842 736.315369,3211.149902 733.701538,3213.622070
	C723.583984,3196.088379 716.372131,3176.807129 702.583496,3159.554688
	C702.810120,3154.900879 703.654968,3151.214111 696.972473,3149.136963
	C698.047607,3134.615967 688.865662,3123.806885 685.487488,3111.385010
	C684.472839,3107.653809 681.539856,3104.349854 680.962280,3100.621582
	C680.408447,3097.047119 681.770569,3093.175781 684.666321,3088.422607
	C688.656921,3087.355957 690.271912,3087.302002 693.414124,3087.833984
	C705.934998,3089.899902 716.928650,3091.379883 728.976929,3093.718750
	C737.239746,3095.925781 744.447815,3097.273682 751.765259,3100.340332
	C753.100342,3107.708252 753.590027,3113.650146 755.696594,3118.948730
	C760.975647,3132.226074 766.986816,3145.212646 772.482666,3159.559082
	C768.055664,3167.126709 763.850342,3173.450928 758.545532,3180.496582
	C751.482727,3190.037354 745.519531,3198.856445 739.556274,3207.675537
z"/>
<path fill="#83A4E3" opacity="1.000000" stroke="none"
	d="
M735.567017,2900.179443
	C740.709595,2897.591553 743.903748,2894.614014 742.053467,2887.732666
	C736.398315,2866.700439 730.837585,2845.611816 726.286865,2824.321533
	C720.914062,2799.184814 716.638428,2773.813477 711.875244,2748.546143
	C711.386169,2745.951904 710.890564,2743.354736 710.272949,2740.789062
	C705.012634,2718.938965 704.014587,2696.335693 699.416199,2674.506836
	C695.843689,2657.547852 698.527832,2640.048340 692.773376,2623.512695
	C691.517334,2619.903564 692.150696,2615.618896 692.017639,2611.641846
	C691.884277,2607.658447 692.826172,2603.366211 691.658691,2599.736572
	C686.227478,2582.849854 688.486145,2565.530518 687.993286,2548.365723
	C687.898071,2545.047363 688.600708,2541.438965 687.540039,2538.461182
	C682.476318,2524.244385 684.299500,2509.589600 685.587219,2493.388184
	C698.532166,2498.238525 709.986511,2504.757080 720.078918,2512.210449
	C717.935547,2516.270508 715.698547,2519.931396 716.618774,2522.429688
	C721.153748,2534.740479 719.735596,2547.399414 719.995117,2559.976562
	C720.118774,2565.967285 718.801331,2572.448486 720.637634,2577.858643
	C726.736267,2595.827393 724.005615,2614.679199 727.088806,2633.034180
	C730.459717,2653.102295 731.952637,2673.637451 735.531006,2693.845215
	C741.524719,2727.692871 745.254089,2762.033936 753.027893,2795.448242
	C761.272949,2830.888672 768.471497,2866.697754 779.924316,2901.346436
	C782.894470,2910.332275 784.765259,2919.278564 782.672852,2928.572754
	C779.960449,2928.096680 778.420898,2927.774414 776.061890,2926.347168
	C762.017273,2916.887939 748.792175,2908.533691 735.567017,2900.179443
z"/>
<path fill="#83A4E3" opacity="1.000000" stroke="none"
	d="
M683.920959,2379.343506
	C683.948975,2368.714355 683.963501,2358.085205 684.011963,2347.456055
	C684.030151,2343.470947 683.161682,2339.166992 684.355652,2335.556885
	C689.501587,2319.997803 687.537598,2304.024414 688.076782,2288.182373
	C688.255554,2282.929688 689.188354,2277.698975 689.853088,2272.467773
	C690.517273,2267.241699 691.652527,2262.045898 691.908386,2256.804199
	C692.295471,2248.872070 691.619751,2240.932129 694.812561,2233.257080
	C696.029480,2230.331543 696.028687,2226.722656 695.912903,2223.449219
	C695.322266,2206.739258 699.841858,2190.752930 702.523926,2174.504395
	C704.239502,2164.110596 705.876953,2153.703125 707.426575,2143.283691
	C714.422180,2096.244873 724.143494,2049.756348 736.187927,2003.773315
	C739.085327,1992.711670 740.610229,1981.747925 740.525269,1967.475952
	C752.654114,1954.852905 766.365234,1949.207642 779.889160,1944.934937
	C780.709595,1962.159668 776.519470,1976.786621 772.656494,1991.456787
	C768.625793,2006.763794 764.116638,2021.956055 760.503357,2037.359497
	C755.241516,2059.791260 750.590515,2082.366699 745.689514,2104.883057
	C745.128723,2107.459717 744.498291,2110.031738 744.132507,2112.638672
	C741.204041,2133.507324 739.122803,2154.531982 735.250183,2175.222168
	C729.910095,2203.752197 725.319702,2232.310059 723.947144,2261.329834
	C723.853333,2263.313721 724.063904,2265.480713 723.343750,2267.239502
	C718.639221,2278.727539 720.323853,2290.765381 719.997437,2302.631836
	C719.851562,2307.934082 720.859802,2313.607910 719.314697,2318.467773
	C714.751404,2332.820801 715.824097,2347.275879 715.805786,2362.710205
	C704.531860,2368.845703 694.226379,2374.094482 683.920959,2379.343506
z"/>
<path fill="#0C2964" opacity="1.000000" stroke="none"
	d="
M668.074219,2479.771484
	C648.994751,2469.135498 629.886230,2458.551025 610.874268,2447.795654
	C608.618835,2446.519775 606.747681,2444.445068 604.945190,2442.510986
	C599.969971,2437.172119 599.924988,2431.793945 605.268921,2426.831299
	C608.641357,2423.699219 612.473022,2420.928955 616.455383,2418.609131
	C635.398438,2407.575195 654.463745,2396.750977 674.863892,2387.091309
	C677.500000,2396.120850 678.757874,2403.911133 679.237549,2412.843262
	C670.966919,2418.148682 663.314331,2422.055420 656.047791,2426.581543
	C652.267822,2428.936279 648.068970,2431.664307 648.996094,2438.594971
	C652.055176,2440.678955 655.818298,2443.168457 659.500732,2445.771729
	C663.745422,2448.772461 667.919006,2451.873535 671.961670,2456.510498
	C670.558044,2465.317139 669.316101,2472.544189 668.074219,2479.771484
z"/>
<path fill="#133B86" opacity="1.000000" stroke="none"
	d="
M565.897705,2121.878906
	C564.079224,2112.949463 564.188354,2103.300049 560.339172,2091.413574
	C571.011108,2076.269287 581.455444,2064.030518 593.140747,2051.313965
	C605.529968,2039.019775 616.678345,2027.203491 629.032837,2015.293213
	C633.520325,2012.946777 636.801697,2010.694458 640.058960,2010.107910
	C640.093018,2017.508911 640.027405,2023.248901 640.247742,2028.977905
	C640.429260,2033.698608 643.760254,2035.316772 647.855713,2035.935303
	C647.583374,2036.542480 647.451660,2037.283813 647.018677,2037.737427
	C620.423889,2065.593506 593.804565,2093.426025 565.897705,2121.878906
z"/>
<path fill="#0F2D6A" opacity="1.000000" stroke="none"
	d="
M649.038208,2035.276367
	C643.760254,2035.316772 640.429260,2033.698608 640.247742,2028.977905
	C640.027405,2023.248901 640.093018,2017.508911 640.774658,2008.987183
	C650.543335,1997.859985 659.572266,1989.519287 669.912048,1980.734619
	C677.974121,1975.025024 684.616577,1969.611206 691.517212,1964.549316
	C695.646240,1961.520630 697.601135,1955.612671 705.026733,1954.915283
	C714.721558,1949.419434 723.134644,1944.280151 731.670593,1941.004395
	C731.977600,1951.624390 732.161682,1960.380981 732.345825,1969.137451
	C715.067200,1982.040039 697.650696,1994.763550 680.560181,2007.910767
	C669.878967,2016.127441 657.027710,2021.971924 649.038208,2035.276367
z"/>
<path fill="#0A255B" opacity="1.000000" stroke="none"
	d="
M734.256165,2899.835938
	C748.792175,2908.533691 762.017273,2916.887939 774.502686,2926.772949
	C771.913391,2930.632324 769.047363,2932.726318 768.444519,2935.342041
	C767.459412,2939.616211 767.948853,2944.230225 766.441895,2948.432129
	C760.649231,2946.927246 756.230896,2945.691406 750.594177,2943.836426
	C736.422546,2932.936035 723.350891,2922.837402 706.730957,2915.748535
	C699.611755,2909.886230 693.650574,2904.697021 687.749695,2899.439941
	C682.350525,2894.629639 677.016418,2889.746338 671.749084,2883.154785
	C671.907227,2877.718994 672.032349,2874.023438 672.016602,2870.328125
	C671.997253,2865.797607 672.995850,2861.782227 677.097900,2859.149902
	C685.015015,2868.119141 696.056274,2872.840820 705.390808,2879.892578
	C714.380798,2886.683838 723.745300,2892.979248 734.256165,2899.835938
z"/>
<path fill="#0D327C" opacity="1.000000" stroke="none"
	d="
M676.426086,2857.988281
	C672.995850,2861.782227 671.997253,2865.797607 672.016602,2870.328125
	C672.032349,2874.023438 671.907227,2877.718994 670.562134,2882.863281
	C667.723022,2883.837402 666.166199,2883.362793 663.842285,2881.829590
	C653.896851,2873.353516 644.718506,2865.936035 634.804810,2857.312012
	C621.401917,2844.034668 608.734375,2831.964111 595.566040,2818.790039
	C592.717224,2814.448975 590.369263,2811.211182 588.021301,2807.973633
	C588.026123,2801.626465 587.638550,2795.243164 588.216858,2788.948730
	C588.470032,2786.194092 590.697205,2783.620850 593.444946,2780.562012
	C606.580261,2799.679199 625.664001,2811.755371 641.943542,2826.653564
	C653.086060,2836.850830 664.475342,2846.778320 676.426086,2857.988281
z"/>
<path fill="#051841" opacity="1.000000" stroke="none"
	d="
M680.015747,2411.701660
	C678.757874,2403.911133 677.500000,2396.120850 676.192261,2386.865234
	C678.127869,2383.936523 680.113464,2382.472900 683.010010,2380.176270
	C694.226379,2374.094482 704.531860,2368.845703 717.168091,2362.321289
	C729.210876,2355.849854 738.922852,2350.653320 749.995117,2345.160156
	C754.041809,2344.155273 756.728210,2343.446777 759.585999,2344.378906
	C761.163574,2353.279297 762.569824,2360.539307 763.877686,2368.745850
	C763.779236,2369.692139 763.487183,2371.572510 762.096924,2371.812012
	C748.291504,2378.513184 735.876404,2384.974609 722.033325,2391.672363
	C708.107239,2397.727783 694.913635,2402.186523 683.862061,2410.848633
	C682.929810,2411.579346 681.313965,2411.437988 680.015747,2411.701660
z"/>
<path fill="#0A204E" opacity="1.000000" stroke="none"
	d="
M733.585144,1968.783447
	C732.161682,1960.380981 731.977600,1951.624390 732.423950,1940.003906
	C737.950256,1933.818359 742.845947,1930.496826 749.050293,1926.836426
	C762.913086,1919.027588 775.467224,1911.557739 789.399170,1903.971680
	C795.146729,1902.506592 799.516479,1901.157837 803.916382,1901.498535
	C802.763489,1912.161499 801.580383,1921.135010 799.526367,1930.977295
	C792.384277,1935.610596 786.113159,1939.374878 779.842041,1943.139160
	C766.365234,1949.207642 752.654114,1954.852905 740.435120,1965.643799
	C738.065857,1967.305176 736.445129,1967.867432 733.585144,1968.783447
z"/>
<path fill="#0A204E" opacity="1.000000" stroke="none"
	d="
M668.891846,2480.724121
	C669.316101,2472.544189 670.558044,2465.317139 673.369141,2456.947998
	C681.977661,2459.180420 688.981018,2462.632568 696.065063,2465.910400
	C706.666748,2470.816162 717.325256,2475.599365 728.608154,2481.351562
	C731.502502,2484.193359 733.748413,2486.118896 735.992188,2489.781250
	C736.017822,2499.621094 736.045471,2507.724365 734.780518,2515.691895
	C729.472229,2514.129150 725.456543,2512.702148 721.440857,2511.275391
	C709.986511,2504.757080 698.532166,2498.238525 685.669617,2491.516357
	C679.410828,2488.100586 674.560181,2484.888672 668.891846,2480.724121
z"/>
<path fill="#B3BED3" opacity="1.000000" stroke="none"
	d="
M591.899780,2051.791504
	C581.455444,2064.030518 571.011108,2076.269287 560.062012,2089.702637
	C557.745239,2092.307617 555.933228,2093.718506 553.044434,2095.548340
	C550.257202,2081.794922 554.305176,2068.189941 557.255920,2054.745850
	C567.034546,2010.193970 577.024841,1965.649780 588.651428,1921.555420
	C596.923279,1890.183716 607.965759,1859.542847 617.763184,1828.572998
	C619.359985,1823.525269 621.357666,1818.535889 622.203186,1813.361694
	C622.444946,1811.882324 619.288147,1809.847778 616.285645,1807.697754
	C626.255615,1799.353149 639.556702,1796.022705 655.012695,1792.512085
	C657.360168,1796.384521 657.712402,1799.641113 656.862427,1802.545898
	C648.718445,1830.376953 637.267822,1857.207764 631.714661,1885.829834
	C631.343018,1887.745605 630.891113,1889.883057 629.761414,1891.376465
	C621.073486,1902.861450 621.402466,1917.426880 616.871948,1930.321533
	C609.719116,1950.679565 606.261047,1972.349976 601.455261,1993.514160
	C597.090027,2012.737671 592.412292,2031.928345 591.899780,2051.791504
z"/>
<path fill="#AEB9CD" opacity="1.000000" stroke="none"
	d="
M586.845825,2807.427246
	C590.369263,2811.211182 592.717224,2814.448975 595.534790,2820.530762
	C595.167908,2832.781982 597.803406,2841.651855 599.655151,2850.750000
	C608.751526,2895.442139 620.373535,2939.479736 633.745544,2983.040527
	C642.082825,3010.200439 651.612915,3036.992676 660.419556,3064.011230
	C662.036560,3068.971924 662.750610,3074.227051 663.881470,3079.346436
	C655.306519,3076.555908 646.731506,3073.765381 637.149902,3070.128906
	C634.927795,3062.143311 634.445923,3054.783203 632.374756,3047.901611
	C621.097961,3010.434082 608.912354,2973.233643 598.068848,2935.644531
	C590.179932,2908.297852 583.046875,2880.666260 577.241089,2852.814697
	C574.412720,2839.246338 572.658203,2825.473877 568.894043,2812.022217
	C567.333801,2806.446289 568.408569,2800.133301 568.499023,2792.313232
	C574.365356,2795.940918 580.017822,2801.410889 586.845825,2807.427246
z"/>
<path fill="#1649A9" opacity="1.000000" stroke="none"
	d="
M616.195740,3062.902344
	C615.460571,3063.744385 614.334717,3063.388672 612.791992,3061.885986
	C613.548218,3060.899658 614.691528,3061.221436 616.195740,3062.902344
z"/>
<path fill="#9FAABE" opacity="1.000000" stroke="none"
	d="
M665.171143,3079.957520
	C662.750610,3074.227051 662.036560,3068.971924 660.419556,3064.011230
	C651.612915,3036.992676 642.082825,3010.200439 633.745544,2983.040527
	C620.373535,2939.479736 608.751526,2895.442139 599.655151,2850.750000
	C597.803406,2841.651855 595.167908,2832.781982 596.035583,2821.634521
	C608.734375,2831.964111 621.401917,2844.034668 633.247192,2857.999512
	C631.457214,2861.526611 629.399414,2863.389893 629.689026,2864.755615
	C632.828613,2879.558594 635.877686,2894.408203 639.849670,2909.000977
	C646.089783,2931.926758 652.681946,2954.769531 659.742859,2977.455078
	C668.577271,3005.838379 677.548096,3034.201660 687.525085,3062.193604
	C690.510620,3070.569824 692.450317,3078.536377 691.886902,3087.247803
	C690.271912,3087.302002 688.656921,3087.355957 685.831543,3087.484619
	C678.567688,3085.229004 672.514282,3082.898682 665.171143,3079.957520
z"/>
<path fill="#A2ADC1" opacity="1.000000" stroke="none"
	d="
M593.140747,2051.313965
	C592.412292,2031.928345 597.090027,2012.737671 601.455261,1993.514160
	C606.261047,1972.349976 609.719116,1950.679565 616.871948,1930.321533
	C621.402466,1917.426880 621.073486,1902.861450 629.761414,1891.376465
	C630.891113,1889.883057 631.343018,1887.745605 631.714661,1885.829834
	C637.267822,1857.207764 648.718445,1830.376953 656.862427,1802.545898
	C657.712402,1799.641113 657.360168,1796.384521 656.491699,1792.400146
	C663.654358,1788.856201 671.890991,1786.203247 683.085938,1783.887939
	C689.593689,1785.315918 692.100952,1787.556885 691.212402,1791.407227
	C690.027039,1796.543945 688.697266,1801.783203 686.457581,1806.518799
	C671.121460,1838.945435 663.443542,1873.901489 652.693787,1907.837280
	C648.918884,1919.754395 645.327209,1931.744385 642.150024,1943.832153
	C638.801453,1956.572021 636.651917,1969.650879 632.851257,1982.241211
	C629.557251,1993.153320 627.177795,2003.981567 627.826660,2015.387085
	C616.678345,2027.203491 605.529968,2039.019775 593.140747,2051.313965
z"/>
<path fill="#909BAF" opacity="1.000000" stroke="none"
	d="
M629.032837,2015.293213
	C627.177795,2003.981567 629.557251,1993.153320 632.851257,1982.241211
	C636.651917,1969.650879 638.801453,1956.572021 642.150024,1943.832153
	C645.327209,1931.744385 648.918884,1919.754395 652.693787,1907.837280
	C663.443542,1873.901489 671.121460,1838.945435 686.457581,1806.518799
	C688.697266,1801.783203 690.027039,1796.543945 691.212402,1791.407227
	C692.100952,1787.556885 689.593689,1785.315918 684.579468,1783.854492
	C683.114685,1783.483032 683.724976,1781.799194 684.048706,1780.963867
	C688.474121,1779.736206 692.575928,1779.343872 699.091187,1778.773926
	C702.792908,1778.311279 703.783508,1777.607178 704.476440,1776.484009
	C711.178833,1776.002441 717.881165,1775.520874 726.159180,1776.553467
	C726.578247,1781.165527 725.455444,1784.276611 724.259949,1787.359497
	C716.347473,1807.764038 707.450928,1827.849243 700.724060,1848.636841
	C690.733154,1879.511353 682.735535,1911.027466 672.944092,1941.971313
	C668.828430,1954.978027 667.079468,1967.777954 668.601196,1981.178467
	C659.572266,1989.519287 650.543335,1997.859985 640.798767,2007.321411
	C636.801697,2010.694458 633.520325,2012.946777 629.032837,2015.293213
z"/>
<path fill="#83A4E3" opacity="1.000000" stroke="none"
	d="
M4136.760742,1969.074219
	C4135.951172,1977.692139 4136.670410,1985.930664 4138.696777,1994.588623
	C4148.774902,2037.648438 4158.390137,2080.832520 4167.139648,2124.180420
	C4171.307129,2144.826416 4173.075684,2165.950195 4176.137695,2186.827393
	C4178.335449,2201.808105 4180.925781,2216.730713 4183.226074,2231.697021
	C4183.728516,2234.964600 4183.887207,2238.303467 4183.963379,2241.614746
	C4184.464355,2263.430420 4190.383301,2284.900635 4188.113770,2306.889648
	C4194.737793,2329.678955 4191.070312,2353.049805 4190.997070,2378.142090
	C4189.281250,2380.228271 4188.595703,2380.331787 4186.918945,2379.507324
	C4175.605469,2372.507568 4165.283203,2366.435547 4156.306641,2359.349365
	C4161.950195,2348.780762 4161.591309,2338.246826 4159.058105,2329.099121
	C4153.137695,2307.713867 4159.536133,2285.262695 4152.035156,2264.266357
	C4153.823242,2236.270996 4145.777344,2209.291748 4143.209961,2181.726074
	C4140.958008,2157.545898 4134.102051,2133.949951 4131.178223,2109.660156
	C4128.668945,2088.816162 4122.878418,2068.317627 4117.828613,2047.841309
	C4111.505371,2022.198975 4104.333008,1996.766968 4097.791504,1971.176636
	C4095.687256,1962.946167 4092.767578,1954.264893 4102.491699,1947.589966
	C4106.432617,1948.751343 4109.018066,1949.676514 4112.162109,1951.671631
	C4120.734375,1958.185669 4128.747559,1963.630005 4136.760742,1969.074219
z"/>
<path fill="#83A4E3" opacity="1.000000" stroke="none"
	d="
M4192.107910,2489.101074
	C4192.071777,2498.410645 4192.052246,2507.720459 4191.992188,2517.030029
	C4191.966797,2521.018799 4192.833496,2525.335205 4191.619629,2528.938232
	C4186.371582,2544.510498 4188.578125,2560.515381 4187.924805,2576.361572
	C4187.708008,2581.613037 4186.735352,2586.842773 4185.942383,2592.057373
	C4185.545898,2594.664795 4184.028320,2597.296631 4184.295898,2599.779297
	C4186.246582,2617.865723 4180.096191,2635.218750 4179.751465,2653.128906
	C4179.549805,2663.615723 4177.636230,2674.139893 4175.743652,2684.510498
	C4169.586426,2718.246338 4164.787109,2752.199951 4157.658203,2785.797119
	C4151.344727,2815.549316 4145.062500,2845.261719 4137.108398,2874.623047
	C4135.374512,2881.022705 4134.745605,2887.723389 4138.790527,2896.188965
	C4138.437012,2900.219971 4137.242676,2902.140625 4134.716797,2904.456055
	C4121.323730,2911.461670 4109.262207,2918.072266 4095.972412,2923.789551
	C4094.279053,2919.802246 4092.820312,2916.461670 4093.517822,2913.657715
	C4096.704590,2900.845947 4100.895508,2888.280762 4103.992676,2875.450195
	C4111.887207,2842.749512 4119.547852,2809.989746 4126.979004,2777.180664
	C4130.328613,2762.393799 4133.447266,2747.514404 4135.708008,2732.531494
	C4139.048828,2710.389893 4141.082031,2688.049316 4144.506348,2665.922363
	C4147.833496,2644.422607 4151.740234,2623.029785 4152.130371,2601.197510
	C4152.153809,2599.876221 4152.069824,2598.433105 4152.551758,2597.258301
	C4157.252930,2585.794922 4155.769531,2573.756592 4156.029297,2561.873047
	C4156.130371,2557.236328 4155.409668,2552.229492 4156.894531,2548.040039
	C4161.740723,2534.367432 4159.781250,2520.498779 4160.291016,2505.655762
	C4171.508301,2499.483643 4181.808105,2494.292480 4192.107910,2489.101074
z"/>
<path fill="#0F2D6A" opacity="1.000000" stroke="none"
	d="
M4136.048340,2904.061279
	C4137.242676,2902.140625 4138.437012,2900.219971 4139.985352,2897.216309
	C4162.056152,2887.336670 4179.278809,2871.844238 4196.700195,2857.022949
	C4215.735352,2840.827881 4233.472168,2823.109131 4251.824707,2806.108398
	C4254.715820,2803.430176 4257.869629,2801.034912 4262.265137,2798.014404
	C4263.715332,2807.612061 4263.802246,2817.704102 4263.846191,2829.627686
	C4261.021973,2834.727539 4258.240234,2837.995850 4254.823242,2842.408691
	C4244.455566,2852.068848 4234.723145,2860.584717 4224.318359,2870.216309
	C4209.413086,2882.495605 4195.179688,2893.658691 4178.820312,2906.279297
	C4164.721191,2914.925049 4152.748535,2922.113281 4140.535156,2927.626953
	C4139.990234,2918.439941 4140.416504,2910.785645 4136.048340,2904.061279
z"/>
<path fill="#0C2964" opacity="1.000000" stroke="none"
	d="
M4187.910156,2380.435059
	C4188.595703,2380.331787 4189.281250,2380.228271 4191.000000,2380.004395
	C4210.154297,2390.559814 4228.305664,2401.184326 4246.379883,2411.938965
	C4252.601562,2415.641602 4258.979004,2419.219971 4264.669434,2423.646729
	C4274.440430,2431.248047 4274.135742,2437.874512 4264.224609,2445.984863
	C4261.685547,2448.062500 4258.935547,2449.939209 4256.091797,2451.578613
	C4241.256348,2460.131592 4226.358887,2468.578125 4209.895020,2475.727783
	C4206.870605,2466.916016 4205.435059,2459.438721 4204.787109,2450.894531
	C4212.492676,2444.446289 4222.767578,2443.185059 4226.887207,2432.573730
	C4222.099609,2429.691650 4217.701660,2427.044922 4213.304688,2424.396729
	C4202.131348,2417.668457 4190.957520,2410.939697 4181.082031,2403.487305
	C4190.569336,2396.892334 4187.333496,2388.191650 4187.910156,2380.435059
z"/>
<path fill="#0C2964" opacity="1.000000" stroke="none"
	d="
M4138.111816,1969.690796
	C4128.747559,1963.630005 4120.734375,1958.185669 4112.276367,1949.733887
	C4111.868652,1937.932129 4111.905762,1929.137817 4113.166992,1920.693604
	C4118.991699,1923.241089 4123.592285,1925.438354 4129.312500,1928.407715
	C4142.809570,1937.077515 4155.186523,1944.975098 4168.306641,1953.943115
	C4179.273926,1962.190674 4189.497070,1969.368042 4200.387207,1977.690430
	C4204.193359,1981.652466 4205.096191,1986.191528 4210.176270,1987.820923
	C4213.959961,1989.034912 4216.768555,1993.288086 4219.792480,1997.820190
	C4215.173340,2008.018921 4216.406250,2017.488159 4215.225586,2026.570435
	C4203.872559,2017.603760 4192.734375,2008.347168 4181.110840,1999.745972
	C4167.448242,1989.635986 4153.364258,1980.095093 4138.111816,1969.690796
z"/>
<path fill="#0E3580" opacity="1.000000" stroke="none"
	d="
M4215.748047,2027.665649
	C4216.406250,2017.488159 4215.173340,2008.018921 4220.963867,1998.235840
	C4226.933594,2000.504272 4231.512695,2003.989624 4236.930664,2008.509277
	C4245.009277,2016.057129 4252.249512,2022.570679 4259.490234,2029.084106
	C4266.695312,2036.692017 4273.899902,2044.300049 4282.304199,2052.502441
	C4286.932129,2057.364258 4290.443848,2061.568848 4293.756348,2065.924072
	C4295.609375,2068.360596 4297.132324,2071.047363 4299.431152,2074.775879
	C4300.011230,2082.458740 4300.413086,2089.036377 4299.706055,2095.492188
	C4299.406738,2098.221436 4296.772461,2100.694824 4293.689453,2103.614990
	C4283.702148,2100.350098 4280.566406,2091.556396 4274.429688,2085.648926
	C4254.894043,2066.841797 4235.636230,2047.745361 4215.748047,2027.665649
z"/>
<path fill="#0A204E" opacity="1.000000" stroke="none"
	d="
M4203.999512,2451.961426
	C4205.435059,2459.438721 4206.870605,2466.916016 4208.482422,2476.086426
	C4203.791504,2480.997803 4198.925293,2484.216309 4193.083008,2488.268066
	C4181.808105,2494.292480 4171.508301,2499.483643 4158.974121,2506.048096
	C4152.493652,2508.982178 4148.247559,2510.543213 4143.996094,2510.443604
	C4143.172363,2501.447021 4146.644043,2493.200928 4140.116211,2486.204102
	C4144.682617,2482.256592 4148.551758,2479.327637 4153.827637,2476.139648
	C4162.255859,2472.517090 4169.306152,2469.210693 4176.292969,2465.776367
	C4185.554199,2461.223877 4194.766113,2456.571045 4203.999512,2451.961426
z"/>
<path fill="#B1BCD0" opacity="1.000000" stroke="none"
	d="
M4221.474609,3075.921875
	C4219.596680,3067.295898 4220.612793,3058.968506 4223.707520,3050.644043
	C4233.375977,3024.636475 4240.393555,2997.735840 4249.145020,2971.460205
	C4260.437988,2937.555420 4268.777832,2902.959717 4277.750488,2868.485596
	C4281.237793,2855.088867 4284.384766,2841.592285 4287.218750,2828.042969
	C4288.152832,2823.577148 4287.615723,2818.803467 4287.553711,2812.370117
	C4293.845215,2802.979736 4300.333496,2795.390137 4307.880371,2787.263916
	C4313.964355,2788.693115 4316.097656,2792.118896 4314.891113,2797.613525
	C4308.530273,2826.574951 4303.125000,2855.778809 4295.736816,2884.473633
	C4284.875000,2926.660156 4272.747559,2968.524658 4260.858887,3010.440674
	C4258.159180,3019.959961 4254.095703,3029.084961 4250.901367,3038.473389
	C4248.205078,3046.397949 4244.575195,3054.227783 4247.932617,3063.875977
	C4240.369141,3068.454102 4231.646484,3072.157715 4221.474609,3075.921875
z"/>
<path fill="#1649A9" opacity="1.000000" stroke="none"
	d="
M4270.848633,3056.725830
	C4270.877441,3057.550537 4269.870605,3058.436768 4267.833984,3059.414062
	C4267.806641,3058.599121 4268.810547,3057.693115 4270.848633,3056.725830
z"/>
<path fill="#7D889C" opacity="1.000000" stroke="none"
	d="
M4000.051270,1555.996094
	C4002.355713,1538.374634 4004.660156,1520.753174 4008.819336,1501.764404
	C4018.268066,1505.187622 4022.113770,1512.870850 4026.216797,1520.392212
	C4041.454590,1548.325684 4056.826904,1576.186157 4071.952393,1604.180176
	C4075.092041,1609.990601 4077.250488,1616.322510 4080.103271,1622.298462
	C4088.110352,1639.069458 4096.255859,1655.774170 4104.319824,1672.518188
	C4106.919922,1677.916504 4111.591309,1679.957886 4117.146484,1680.648804
	C4116.683105,1683.389771 4116.220215,1686.130615 4114.383789,1690.951660
	C4104.882324,1701.236816 4096.754395,1709.442017 4088.031250,1716.219727
	C4078.851807,1705.808838 4076.742432,1693.589355 4071.462891,1682.952759
	C4053.715576,1647.197754 4035.857178,1611.497314 4017.814209,1575.890869
	C4014.833496,1570.008423 4010.993652,1564.487305 4006.964111,1559.250732
	C4005.582520,1557.455688 4002.407227,1557.041260 4000.051270,1555.996094
z"/>
<path fill="#909BAF" opacity="1.000000" stroke="none"
	d="
M4118.205078,1679.909180
	C4111.591309,1679.957886 4106.919922,1677.916504 4104.319824,1672.518188
	C4096.255859,1655.774170 4088.110352,1639.069458 4080.103271,1622.298462
	C4077.250488,1616.322510 4075.092041,1609.990601 4071.952393,1604.180176
	C4056.826904,1576.186157 4041.454590,1548.325684 4026.216797,1520.392212
	C4022.113770,1512.870850 4018.268066,1505.187622 4009.298340,1500.209351
	C4008.450684,1484.890991 4008.979004,1469.760498 4010.390625,1453.283691
	C4019.712891,1452.040039 4024.552734,1457.321655 4027.945068,1464.105347
	C4044.498047,1497.207764 4067.229736,1526.758179 4082.612305,1560.602051
	C4091.575439,1580.322021 4103.020508,1598.901123 4112.885742,1618.229614
	C4117.675293,1627.612793 4121.115723,1637.679321 4125.766602,1647.141724
	C4127.380371,1650.425293 4130.800293,1652.821167 4134.795898,1655.858643
	C4133.132324,1665.679810 4126.765137,1672.840820 4118.205078,1679.909180
z"/>
<path fill="#8D98AB" opacity="1.000000" stroke="none"
	d="
M4236.092285,2007.474976
	C4231.512695,2003.989624 4226.933594,2000.504272 4221.182617,1996.603271
	C4216.768555,1993.288086 4213.959961,1989.034912 4210.176270,1987.820923
	C4205.096191,1986.191528 4204.193359,1981.652466 4200.492188,1975.946655
	C4199.739258,1957.014160 4195.661621,1941.676392 4190.975098,1926.535156
	C4182.752930,1899.969849 4173.737305,1873.644897 4165.855469,1846.982422
	C4163.029297,1837.422974 4159.575684,1828.277710 4155.879395,1819.057495
	C4150.016602,1804.432373 4142.428711,1790.010010 4145.617188,1773.117432
	C4149.899902,1772.967041 4152.766113,1773.044678 4155.631836,1773.122314
	C4161.936523,1774.685425 4168.240723,1776.248657 4174.272461,1779.004639
	C4170.320312,1781.369873 4168.158691,1783.591309 4170.039062,1787.527100
	C4181.772949,1812.087158 4187.994141,1838.638428 4197.677734,1863.947510
	C4202.378906,1876.234619 4205.497559,1889.139160 4209.118164,1901.825439
	C4216.204102,1926.654419 4223.383789,1951.461304 4230.017578,1976.412354
	C4232.722656,1986.585693 4234.106934,1997.110229 4236.092285,2007.474976
z"/>
<path fill="#0C2964" opacity="1.000000" stroke="none"
	d="
M4155.635742,1771.558838
	C4152.766113,1773.044678 4149.899902,1772.967041 4143.877930,1772.630493
	C4131.150391,1772.271851 4121.578613,1772.172119 4110.247070,1771.852661
	C4099.045898,1771.908081 4089.604492,1772.183350 4078.554932,1772.287720
	C4068.688232,1773.482788 4060.429932,1774.848755 4050.631836,1776.130981
	C4047.824219,1776.030396 4046.526855,1776.184814 4045.293457,1775.969482
	C4036.018555,1774.349609 4034.045410,1770.820190 4038.546875,1763.701782
	C4040.228271,1761.042847 4042.335693,1758.653320 4045.431152,1755.608887
	C4053.359131,1751.159180 4060.320557,1747.502563 4065.605225,1739.771118
	C4074.058594,1731.982788 4084.993408,1728.525635 4088.626465,1717.647217
	C4096.754395,1709.442017 4104.882324,1701.236816 4114.076172,1692.312256
	C4124.108887,1691.772827 4127.598633,1698.192505 4130.433594,1705.195679
	C4136.152832,1719.324219 4141.820312,1733.474365 4147.380371,1747.665894
	C4150.274902,1755.053711 4152.895508,1762.548828 4155.635742,1771.558838
z"/>
<path fill="#96A1B5" opacity="1.000000" stroke="none"
	d="
M4236.930664,2008.509277
	C4234.106934,1997.110229 4232.722656,1986.585693 4230.017578,1976.412354
	C4223.383789,1951.461304 4216.204102,1926.654419 4209.118164,1901.825439
	C4205.497559,1889.139160 4202.378906,1876.234619 4197.677734,1863.947510
	C4187.994141,1838.638428 4181.772949,1812.087158 4170.039062,1787.527100
	C4168.158691,1783.591309 4170.320312,1781.369873 4175.374512,1779.888672
	C4182.335449,1780.562988 4187.921875,1781.545898 4194.744141,1783.263428
	C4195.218750,1791.498047 4197.415039,1798.418213 4199.775879,1805.412354
	C4206.973145,1826.732910 4213.489258,1848.291626 4221.048828,1869.479980
	C4236.469238,1912.700073 4247.008301,1957.278687 4258.328125,2001.631104
	C4260.256836,2009.188843 4259.388672,2017.460327 4259.651367,2027.243042
	C4252.249512,2022.570679 4245.009277,2016.057129 4236.930664,2008.509277
z"/>
<path fill="#96A1B5" opacity="1.000000" stroke="none"
	d="
M4208.208984,1786.928711
	C4207.580566,1787.786377 4206.472656,1787.535278 4204.871094,1786.236450
	C4205.521973,1785.166016 4206.639648,1785.376465 4208.208984,1786.928711
z"/>
<path fill="#123E92" opacity="1.000000" stroke="none"
	d="
M702.704468,1716.167725
	C701.894592,1717.265259 699.928040,1718.494263 696.724243,1719.514404
	C697.507263,1718.303467 699.527527,1717.301270 702.704468,1716.167725
z"/>
<path fill="#103C8D" opacity="1.000000" stroke="none"
	d="
M1718.958740,700.196533
	C1718.954712,700.742126 1718.013062,701.387939 1716.656006,701.475098
	C1716.240356,700.916443 1718.021362,700.296753 1718.958740,700.196533
z"/>
<path fill="#7897D1" opacity="1.000000" stroke="none"
	d="
M3695.800049,1291.960571
	C3698.287842,1286.102295 3700.775391,1280.244141 3703.952881,1273.156860
	C3707.121094,1272.772583 3710.332520,1272.904541 3711.960205,1274.577271
	C3723.038330,1285.963013 3733.808105,1297.649658 3744.614746,1309.297241
	C3746.864258,1311.722168 3748.674316,1314.565063 3750.989502,1316.917358
	C3773.351807,1339.638306 3791.351562,1365.925415 3811.201416,1390.690430
	C3821.531494,1403.578003 3831.306641,1416.964111 3840.572510,1430.639771
	C3861.721191,1461.852905 3884.789307,1491.789795 3902.766602,1525.129639
	C3909.987549,1538.520874 3918.634521,1551.139160 3926.514404,1564.180420
	C3930.624268,1570.982666 3934.397705,1577.987427 3938.468262,1584.814209
	C3942.815186,1592.104492 3945.958496,1600.450317 3956.162842,1604.418945
	C3955.945801,1611.526978 3954.235596,1618.304810 3951.883789,1627.713867
	C3949.043701,1634.992188 3946.845459,1639.639160 3943.196289,1644.085205
	C3934.575684,1642.221069 3930.772705,1636.966187 3927.499268,1630.923584
	C3920.216797,1617.479736 3912.963379,1604.011719 3905.299072,1590.784668
	C3893.980957,1571.250488 3882.873047,1551.559570 3870.681152,1532.573975
	C3846.646240,1495.146240 3822.588135,1457.669556 3795.115234,1422.633301
	C3778.344971,1401.245728 3763.753418,1378.199707 3744.847412,1358.393311
	C3734.833984,1347.903198 3727.100830,1335.272095 3717.559814,1324.283691
	C3710.672119,1316.351562 3704.329590,1307.420044 3694.062744,1302.046143
	C3694.816162,1297.720459 3695.308105,1294.840576 3695.800049,1291.960571
z"/>
<path fill="#7897D1" opacity="1.000000" stroke="none"
	d="
M3600.039062,1165.910156
	C3590.835449,1170.415161 3581.596191,1173.521484 3569.588867,1176.086426
	C3560.499023,1169.646606 3554.269287,1163.645874 3547.836426,1157.871460
	C3534.500244,1145.900146 3521.519775,1133.469604 3507.548340,1122.283325
	C3485.826416,1104.891602 3463.632812,1088.062622 3441.206055,1071.584595
	C3418.754883,1055.088501 3395.938965,1039.072876 3372.963623,1023.311707
	C3358.187012,1013.174927 3342.913574,1003.750305 3327.708496,994.253723
	C3318.696533,988.625122 3309.450439,983.360657 3300.194092,978.137085
	C3277.624756,965.400940 3255.040771,952.688782 3232.338867,940.191589
	C3227.178467,937.350708 3224.100098,933.647400 3224.795898,926.830322
	C3230.451904,923.861450 3235.184326,921.788940 3239.916748,919.716431
	C3248.358887,917.503662 3256.800781,915.290833 3266.692871,913.056946
	C3268.257080,916.994995 3267.856445,921.094666 3271.912842,923.709045
	C3276.371094,926.582581 3280.528076,930.009094 3285.208496,932.439209
	C3336.549561,959.093567 3384.447510,991.312500 3431.826172,1024.216431
	C3458.425293,1042.689453 3483.611816,1063.220703 3509.156006,1083.181396
	C3529.475098,1099.059326 3549.566650,1115.244263 3569.374268,1131.754761
	C3579.551758,1140.237915 3588.967529,1149.648438 3598.504395,1158.870361
	C3599.702393,1160.028564 3599.537354,1162.596558 3600.039062,1165.910156
z"/>
<path fill="#0C2964" opacity="1.000000" stroke="none"
	d="
M3635.201660,1157.931885
	C3635.358643,1158.983521 3634.479492,1159.551270 3632.596924,1159.812500
	C3632.311279,1158.706055 3633.168457,1158.020142 3635.201660,1157.931885
z"/>
<path fill="#C6D2E7" opacity="1.000000" stroke="none"
	d="
M3628.100830,1188.795044
	C3633.925049,1186.706299 3639.749268,1184.617432 3647.541016,1182.044189
	C3650.631836,1181.502808 3651.386475,1180.945923 3651.772461,1179.889038
	C3651.772461,1179.889038 3651.997803,1179.796753 3651.918945,1179.703857
	C3664.468994,1176.321655 3677.073730,1172.936035 3689.739746,1169.796631
	C3693.978027,1168.746216 3698.372314,1168.324707 3703.899658,1167.418213
	C3704.204590,1181.647583 3697.534424,1192.686523 3695.687500,1206.275024
	C3691.685303,1219.452271 3687.651611,1231.041992 3681.458008,1243.502441
	C3676.904297,1243.401367 3673.934082,1243.027466 3672.208252,1241.363281
	C3658.588135,1228.230835 3645.207764,1214.849854 3631.747070,1201.552002
	C3628.129883,1197.978271 3628.047852,1193.409668 3628.100830,1188.795044
z"/>
<path fill="#6D778A" opacity="1.000000" stroke="none"
	d="
M3131.963135,803.958252
	C3140.399658,794.866821 3148.836182,785.775391 3158.470215,776.108337
	C3160.157959,780.390259 3161.778809,784.657166 3166.384277,787.038635
	C3173.462891,790.698914 3180.575684,794.298889 3187.747070,797.773682
	C3224.766846,815.711487 3261.927979,833.363403 3298.746094,851.704956
	C3306.252686,855.444458 3312.499268,861.713440 3319.810059,868.258057
	C3316.716797,871.006104 3313.140137,872.312561 3308.751221,874.440552
	C3294.486328,877.272583 3281.033691,879.282898 3265.448730,880.067505
	C3260.159912,873.570374 3256.089111,869.683594 3249.893066,867.843323
	C3244.868164,866.350647 3240.113770,863.873108 3235.341309,861.616821
	C3209.040039,849.182373 3182.758545,836.705505 3156.497559,824.185913
	C3150.521973,821.337219 3144.631592,818.306885 3138.744873,815.276245
	C3134.181641,812.926941 3132.178467,808.956787 3131.963135,803.958252
z"/>
<path fill="#6A7588" opacity="1.000000" stroke="none"
	d="
M4088.031250,1716.219849
	C4084.993408,1728.525635 4074.058594,1731.982788 4064.336914,1739.079346
	C4058.065430,1732.879517 4053.655518,1727.029663 4050.508789,1720.564575
	C4042.662354,1704.444824 4035.445068,1688.019897 4027.861084,1671.770752
	C4024.765137,1665.137573 4020.167480,1658.954956 4018.370850,1652.018799
	C4014.761963,1638.085083 4005.143799,1627.535278 3999.344727,1614.906250
	C3997.217041,1610.272095 3993.182861,1608.103027 3988.083496,1607.978027
	C3990.163330,1597.158813 3992.327637,1586.354858 3994.285645,1575.513672
	C3995.207764,1570.409302 3995.732422,1565.233154 3996.466797,1558.486572
	C3996.496826,1556.883667 3998.257812,1556.375000 3999.154541,1556.185547
	C4002.407227,1557.041260 4005.582520,1557.455688 4006.964111,1559.250732
	C4010.993652,1564.487305 4014.833496,1570.008423 4017.814209,1575.890869
	C4035.857178,1611.497314 4053.715576,1647.197754 4071.462891,1682.952759
	C4076.742432,1693.589355 4078.851807,1705.808838 4088.031250,1716.219849
z"/>
<path fill="#475062" opacity="1.000000" stroke="none"
	d="
M4044.249023,1756.140991
	C4042.335693,1758.653320 4040.228271,1761.042847 4038.546875,1763.701782
	C4034.045410,1770.820190 4036.018555,1774.349609 4045.293457,1775.969482
	C4046.526855,1776.184814 4047.824219,1776.030396 4050.568848,1777.714844
	C4051.446289,1788.348145 4054.958252,1796.438477 4058.378174,1804.231323
	C4070.403809,1831.635864 4079.599609,1860.024658 4088.519775,1888.509766
	C4090.466553,1894.727173 4090.907471,1901.416382 4090.612061,1907.797363
	C4078.168457,1902.377686 4067.155029,1897.049072 4056.094971,1890.131592
	C4054.134766,1870.519897 4046.824707,1854.089111 4040.525146,1837.432495
	C4025.065430,1796.555298 4007.908936,1756.364014 3990.056152,1716.480713
	C3984.906006,1704.975586 3978.749512,1693.924194 3973.217041,1682.585449
	C3971.296631,1678.649414 3968.552979,1676.263306 3964.296143,1674.494141
	C3967.700195,1663.610352 3973.167725,1654.857910 3972.958008,1644.418945
	C3974.438721,1643.167725 3975.919189,1641.916626 3979.586670,1640.778809
	C3984.488281,1644.553955 3987.884033,1647.891235 3989.807861,1651.929810
	C4003.998535,1681.720947 4018.157715,1711.534180 4031.677734,1741.631958
	C4034.581787,1748.096680 4038.123291,1752.970703 4044.249023,1756.140991
z"/>
<path fill="#586174" opacity="1.000000" stroke="none"
	d="
M4045.431152,1755.608887
	C4038.123291,1752.970703 4034.581787,1748.096680 4031.677734,1741.631958
	C4018.157715,1711.534180 4003.998535,1681.720947 3989.807861,1651.929810
	C3987.884033,1647.891235 3984.488281,1644.553955 3980.427246,1640.286865
	C3981.600342,1629.976929 3984.119385,1620.272217 3987.360840,1609.272705
	C3993.182861,1608.103027 3997.217041,1610.272095 3999.344727,1614.906250
	C4005.143799,1627.535278 4014.761963,1638.085083 4018.370850,1652.018799
	C4020.167480,1658.954956 4024.765137,1665.137573 4027.861084,1671.770752
	C4035.445068,1688.019897 4042.662354,1704.444824 4050.508789,1720.564575
	C4053.655518,1727.029663 4058.065430,1732.879517 4063.168945,1739.701172
	C4060.320557,1747.502563 4053.359131,1751.159180 4045.431152,1755.608887
z"/>
<path fill="#081636" opacity="1.000000" stroke="none"
	d="
M3971.663086,1643.821777
	C3973.167725,1654.857910 3967.700195,1663.610352 3963.642334,1675.718018
	C3959.187988,1686.916626 3955.551025,1695.421509 3950.886963,1704.667969
	C3946.642090,1710.278931 3943.424316,1715.148438 3938.968262,1719.443115
	C3931.438965,1713.366089 3923.993896,1708.677490 3923.818115,1697.645386
	C3925.300781,1692.224609 3926.655273,1688.112671 3928.895020,1682.906738
	C3935.445068,1669.584717 3942.476074,1657.898071 3944.647217,1644.286133
	C3946.845459,1639.639160 3949.043701,1634.992188 3951.896729,1629.211182
	C3957.378174,1628.202515 3960.730957,1630.537964 3963.352539,1634.565430
	C3965.368652,1637.661865 3968.006836,1640.353149 3971.663086,1643.821777
z"/>
<path fill="#586174" opacity="1.000000" stroke="none"
	d="
M3130.777588,804.566284
	C3132.178467,808.956787 3134.181641,812.926941 3138.744873,815.276245
	C3144.631592,818.306885 3150.521973,821.337219 3156.497559,824.185913
	C3182.758545,836.705505 3209.040039,849.182373 3235.341309,861.616821
	C3240.113770,863.873108 3244.868164,866.350647 3249.893066,867.843323
	C3256.089111,869.683594 3260.159912,873.570374 3263.761475,880.348877
	C3252.989990,886.091858 3241.772949,890.327820 3228.307373,895.166016
	C3226.058594,895.768311 3224.084717,895.596497 3223.893555,894.210083
	C3222.161377,886.009033 3216.238037,884.102478 3210.948975,881.608521
	C3191.444092,872.411865 3171.927734,863.238037 3152.347412,854.203796
	C3144.026611,850.364563 3135.508545,846.955688 3127.133545,843.230957
	C3121.174561,840.580872 3114.660156,838.588928 3111.806641,831.756226
	C3114.900391,820.998901 3123.278076,813.777100 3130.777588,804.566284
z"/>
<path fill="#061232" opacity="1.000000" stroke="none"
	d="
M3224.084717,895.596497
	C3224.084717,895.596497 3226.058594,895.768311 3227.045410,895.857971
	C3227.917725,900.767090 3230.514648,904.185974 3233.518799,907.645142
	C3235.942139,910.435181 3237.635498,913.858765 3239.784668,918.358826
	C3235.184326,921.788940 3230.451904,923.861450 3223.312012,926.867126
	C3206.823730,934.320984 3192.743164,940.841675 3177.335449,947.522705
	C3169.334961,950.453308 3162.661865,953.223572 3155.975098,954.558899
	C3156.191162,944.233337 3150.452881,939.571289 3144.297363,934.565063
	C3151.350586,928.989319 3157.717041,924.539978 3165.458008,919.918945
	C3173.896729,915.974731 3180.961670,912.202148 3189.527832,908.302856
	C3202.047852,903.982971 3213.066406,899.789734 3224.084717,895.596497
z"/>
<path fill="#B3BED3" opacity="1.000000" stroke="none"
	d="
M3626.610352,1188.710938
	C3628.047852,1193.409668 3628.129883,1197.978271 3631.747070,1201.552002
	C3645.207764,1214.849854 3658.588135,1228.230835 3672.208252,1241.363281
	C3673.934082,1243.027466 3676.904297,1243.401367 3680.820312,1244.750977
	C3678.803711,1257.006836 3675.264893,1268.884888 3671.195312,1282.554810
	C3670.664795,1284.346680 3669.436523,1284.645264 3667.966797,1284.376709
	C3662.181152,1281.249390 3657.333740,1278.945679 3653.652100,1275.423706
	C3644.112793,1266.297852 3633.104248,1257.849731 3626.377686,1246.867432
	C3618.656494,1234.262207 3604.509766,1229.876221 3596.450684,1218.510620
	C3594.937744,1216.377075 3592.201416,1214.934204 3591.197021,1212.657593
	C3589.664795,1209.184692 3589.149658,1205.263184 3588.202637,1201.532104
	C3600.508301,1197.230347 3612.813965,1192.928711 3626.610352,1188.710938
z"/>
<path fill="#051029" opacity="1.000000" stroke="none"
	d="
M3669.436523,1284.645264
	C3669.436523,1284.645264 3670.664795,1284.346680 3671.248535,1284.103516
	C3678.884277,1286.465576 3685.936279,1289.070801 3694.394287,1291.818359
	C3695.308105,1294.840576 3694.816162,1297.720459 3693.299316,1303.135376
	C3689.304688,1315.466553 3686.334473,1325.262817 3682.373779,1336.115356
	C3678.045410,1347.412842 3674.707764,1357.654053 3670.404297,1368.810547
	C3666.145752,1377.170166 3662.853027,1384.614624 3658.121094,1392.030151
	C3653.188232,1390.711548 3649.677734,1389.465454 3646.205811,1388.120483
	C3642.728027,1386.773071 3639.288574,1385.326904 3635.830322,1382.605225
	C3635.949707,1379.537109 3636.071045,1377.787720 3636.993652,1374.953613
	C3640.046631,1367.088989 3642.298096,1360.309326 3645.541260,1352.411621
	C3649.984375,1340.995239 3653.436035,1330.696777 3657.818115,1319.328857
	C3662.311035,1307.054565 3665.873779,1295.849976 3669.436523,1284.645264
z"/>
<path fill="#6D8AC1" opacity="1.000000" stroke="none"
	d="
M3178.662842,947.362488
	C3192.743164,940.841675 3206.823730,934.320984 3222.388184,927.763428
	C3224.100098,933.647400 3227.178467,937.350708 3232.338867,940.191589
	C3255.040771,952.688782 3277.624756,965.400940 3300.194092,978.137085
	C3309.450439,983.360657 3318.696533,988.625122 3327.708496,994.253723
	C3342.913574,1003.750305 3358.187012,1013.174927 3372.963623,1023.311707
	C3395.938965,1039.072876 3418.754883,1055.088501 3441.206055,1071.584595
	C3463.632812,1088.062622 3485.826416,1104.891602 3507.548340,1122.283325
	C3521.519775,1133.469604 3534.500244,1145.900146 3547.836426,1157.871460
	C3554.269287,1163.645874 3560.499023,1169.646606 3568.131348,1176.213623
	C3569.442383,1176.882202 3568.791748,1178.542114 3566.895264,1179.434448
	C3554.187012,1183.606323 3543.375000,1186.885864 3532.083496,1188.706177
	C3529.508301,1184.683594 3527.762207,1181.698730 3525.259766,1179.627075
	C3511.993652,1168.644531 3498.081787,1158.402710 3485.241455,1146.953613
	C3457.440430,1122.165527 3427.104248,1100.689575 3396.749023,1079.365845
	C3367.962646,1059.144043 3337.671387,1041.076050 3308.267334,1021.718750
	C3276.581787,1000.859497 3243.303223,982.812683 3209.943848,964.872742
	C3199.421143,959.213928 3189.084473,953.209045 3178.662842,947.362488
z"/>
<path fill="#A2ADC1" opacity="1.000000" stroke="none"
	d="
M3667.966797,1284.376709
	C3665.873779,1295.849976 3662.311035,1307.054565 3656.378906,1319.113525
	C3640.726807,1314.074951 3633.067383,1302.255493 3623.801758,1291.957642
	C3611.842285,1278.665405 3599.956543,1264.971436 3586.144531,1253.790649
	C3575.739258,1245.367554 3566.423340,1236.065430 3557.136475,1226.663574
	C3554.133301,1223.623169 3553.184082,1218.554199 3552.361816,1213.597412
	C3560.933838,1209.738770 3568.439697,1206.696045 3575.945312,1203.653320
	C3579.190430,1202.946899 3582.435547,1202.240356 3586.941650,1201.532959
	C3589.149658,1205.263184 3589.664795,1209.184692 3591.197021,1212.657593
	C3592.201416,1214.934204 3594.937744,1216.377075 3596.450684,1218.510620
	C3604.509766,1229.876221 3618.656494,1234.262207 3626.377686,1246.867432
	C3633.104248,1257.849731 3644.112793,1266.297852 3653.652100,1275.423706
	C3657.333740,1278.945679 3662.181152,1281.249390 3667.966797,1284.376709
z"/>
<path fill="#051029" opacity="1.000000" stroke="none"
	d="
M3575.941406,1202.223877
	C3568.439697,1206.696045 3560.933838,1209.738770 3550.899170,1213.768799
	C3540.265381,1217.969116 3532.160400,1221.182129 3522.613770,1224.397095
	C3511.480225,1228.468384 3501.788330,1232.537842 3490.808594,1236.551758
	C3487.814941,1236.708008 3486.109863,1236.919556 3484.284912,1235.521240
	C3484.987549,1225.497803 3477.462891,1220.814209 3475.325195,1213.187744
	C3475.476807,1212.584351 3475.760254,1211.360107 3477.131836,1211.144531
	C3486.997070,1207.362183 3495.490723,1203.795410 3505.417480,1200.121094
	C3515.421631,1196.730713 3523.992432,1193.447998 3532.563232,1190.165283
	C3543.375000,1186.885864 3554.187012,1183.606323 3566.529785,1180.247559
	C3569.477295,1183.570435 3570.973633,1186.942017 3572.287842,1190.383057
	C3573.599365,1193.817261 3574.728516,1197.321167 3575.941406,1202.223877
z"/>
<path fill="#334467" opacity="1.000000" stroke="none"
	d="
M3651.113525,1179.704102
	C3651.386475,1180.945923 3650.631836,1181.502808 3648.854004,1181.216919
	C3648.692139,1179.991821 3649.444092,1179.540161 3651.113525,1179.704102
z"/>
<path fill="#778296" opacity="1.000000" stroke="none"
	d="
M2929.012451,719.768677
	C2922.185547,710.106445 2915.358887,700.444214 2907.953613,689.553040
	C2914.779053,687.203979 2921.597168,689.514526 2928.654053,691.355408
	C2977.084473,703.989075 3024.368896,720.095520 3071.286133,737.407227
	C3079.208252,740.330200 3087.677734,741.768921 3097.410156,743.859741
	C3099.222412,752.010803 3099.518799,760.195496 3098.069580,770.119873
	C3084.527588,767.809692 3072.754883,763.688965 3060.930420,759.723206
	C3025.351562,747.790894 2989.709229,736.045654 2954.193604,723.929443
	C2945.937500,721.112976 2937.693604,719.424805 2929.012451,719.768677
z"/>
<path fill="#475062" opacity="1.000000" stroke="none"
	d="
M3223.893555,894.210083
	C3213.066406,899.789734 3202.047852,903.982971 3189.350830,906.876343
	C3182.180176,896.617310 3173.302734,892.334473 3164.098389,888.497009
	C3157.989258,885.950012 3151.871094,883.423706 3145.788086,880.815247
	C3129.347168,873.765076 3113.092285,866.245850 3096.454834,859.697327
	C3067.485840,848.295288 3038.110352,837.912537 3009.281738,826.177124
	C2999.844238,822.335388 2990.758545,819.156738 2980.208252,818.489990
	C2977.111572,811.483887 2974.364014,805.789124 2971.259766,798.865112
	C2969.968262,794.400024 2969.033691,791.164124 2969.746338,787.938049
	C2981.920166,786.060486 2990.230469,792.830627 2999.652588,795.023254
	C3022.204834,800.271362 3042.782471,810.716370 3064.557861,817.836670
	C3074.402344,821.055725 3082.961670,828.516113 3094.182373,827.410461
	C3099.388184,836.772705 3099.388184,836.772705 3110.529541,832.394287
	C3114.660156,838.588928 3121.174561,840.580872 3127.133545,843.230957
	C3135.508545,846.955688 3144.026611,850.364563 3152.347412,854.203796
	C3171.927734,863.238037 3191.444092,872.411865 3210.948975,881.608521
	C3216.238037,884.102478 3222.161377,886.009033 3223.893555,894.210083
z"/>
<path fill="#6A7588" opacity="1.000000" stroke="none"
	d="
M2928.899414,720.735657
	C2937.693604,719.424805 2945.937500,721.112976 2954.193604,723.929443
	C2989.709229,736.045654 3025.351562,747.790894 3060.930420,759.723206
	C3072.754883,763.688965 3084.527588,767.809692 3097.811279,771.854675
	C3099.059326,779.210144 3098.820068,786.570557 3096.053955,795.058044
	C3081.937500,796.087158 3071.747803,791.352173 3061.408691,786.838135
	C3054.814209,783.958862 3047.848389,781.922791 3041.024902,779.578674
	C3035.401611,777.646973 3029.708740,775.914246 3024.106689,773.925049
	C3009.839355,768.858948 2995.731934,763.302307 2981.316162,758.707458
	C2970.690918,755.320801 2960.004639,751.568909 2947.787109,750.693726
	C2940.928467,740.928833 2934.837402,732.289124 2928.746338,723.649292
	C2928.746338,723.649292 2928.786621,721.702637 2928.899414,720.735657
z"/>
<path fill="#586174" opacity="1.000000" stroke="none"
	d="
M2948.554688,751.818909
	C2960.004639,751.568909 2970.690918,755.320801 2981.316162,758.707458
	C2995.731934,763.302307 3009.839355,768.858948 3024.106689,773.925049
	C3029.708740,775.914246 3035.401611,777.646973 3041.024902,779.578674
	C3047.848389,781.922791 3054.814209,783.958862 3061.408691,786.838135
	C3071.747803,791.352173 3081.937500,796.087158 3095.219238,796.369690
	C3096.325195,805.734558 3095.739502,814.914856 3094.667969,825.752808
	C3082.961670,828.516113 3074.402344,821.055725 3064.557861,817.836670
	C3042.782471,810.716370 3022.204834,800.271362 2999.652588,795.023254
	C2990.230469,792.830627 2981.920166,786.060486 2968.696777,787.091064
	C2960.184570,774.762573 2954.369629,763.290771 2948.554688,751.818909
z"/>
<path fill="#7897D1" opacity="1.000000" stroke="none"
	d="
M3599.890869,3700.213867
	C3599.890869,3700.213867 3600.159180,3701.704346 3600.206787,3702.459473
	C3598.737549,3715.916260 3588.170898,3721.906738 3580.028320,3729.254150
	C3564.814697,3742.981445 3548.973633,3756.044189 3532.981689,3768.869873
	C3513.366211,3784.602051 3493.473389,3799.999023 3473.430420,3815.184326
	C3454.439941,3829.572021 3435.527832,3844.131104 3415.805908,3857.468506
	C3391.101807,3874.175049 3365.774170,3889.982910 3340.402588,3905.672363
	C3318.980713,3918.919434 3297.027588,3931.305664 3275.536133,3944.443848
	C3272.463135,3946.322754 3270.668457,3950.292480 3268.139160,3954.703125
	C3267.996338,3956.111816 3266.085449,3956.697266 3263.719482,3956.410156
	C3250.254395,3951.958008 3239.155273,3947.793213 3228.074707,3942.194336
	C3228.032471,3936.384521 3229.896484,3933.338623 3233.775635,3931.078857
	C3248.093018,3922.738525 3261.885986,3913.398682 3276.619385,3905.893799
	C3303.882080,3892.006592 3329.075684,3874.758789 3355.064453,3858.836426
	C3373.680176,3847.431641 3390.936035,3833.831787 3409.138672,3821.723145
	C3441.145752,3800.432129 3471.729980,3777.280273 3501.318359,3752.774902
	C3511.003418,3744.753906 3520.907959,3736.989014 3530.401855,3728.748779
	C3540.399902,3720.071045 3550.275391,3711.215576 3559.650391,3701.880859
	C3562.178467,3699.363525 3562.695557,3694.826416 3565.680420,3691.337158
	C3578.113770,3694.376465 3589.002197,3697.295166 3599.890869,3700.213867
z"/>
<path fill="#7897D1" opacity="1.000000" stroke="none"
	d="
M3707.645020,3604.365234
	C3702.958496,3594.750000 3698.951416,3583.806152 3693.951172,3570.679443
	C3692.916748,3567.017578 3692.875488,3565.538330 3694.153809,3563.885742
	C3699.149902,3560.975098 3703.009277,3558.450684 3706.472656,3555.466064
	C3729.237305,3535.850342 3745.843018,3510.751953 3764.876221,3487.940430
	C3787.695557,3460.591309 3807.815918,3430.914551 3828.129639,3401.570557
	C3852.230957,3366.755615 3876.415039,3331.952148 3896.762207,3294.686768
	C3907.553467,3274.922607 3919.067139,3255.554199 3929.985107,3235.857178
	C3933.301270,3229.874512 3936.153564,3223.909424 3945.152832,3224.812256
	C3948.131592,3230.468506 3950.213135,3235.202637 3952.294678,3239.936768
	C3954.189209,3247.890869 3956.083496,3255.844971 3958.202637,3265.322021
	C3951.362549,3267.817871 3946.435303,3271.170898 3943.019775,3277.857178
	C3914.536621,3333.615479 3878.493164,3384.690186 3843.515137,3436.364746
	C3829.061523,3457.717529 3812.107910,3477.377197 3796.303711,3497.816406
	C3783.341797,3514.580078 3770.771484,3531.663818 3757.334717,3548.037109
	C3745.979004,3561.874268 3733.642090,3574.906982 3721.713135,3588.271973
	C3717.289307,3593.228516 3712.789551,3598.116943 3707.645020,3604.365234
z"/>
<path fill="#707B8E" opacity="1.000000" stroke="none"
	d="
M4064.167969,3127.125000
	C4075.054688,3133.470947 4084.492676,3141.453613 4092.262939,3152.868652
	C4092.385010,3155.341797 4092.452637,3156.773926 4091.919189,3157.928223
	C4079.493896,3184.823730 4067.026855,3211.699707 4054.505371,3238.550293
	C4052.030518,3243.857666 4049.413818,3249.105957 4046.666748,3254.277832
	C4035.853516,3274.636963 4025.113770,3295.038330 4013.947510,3315.202881
	C4012.140137,3318.466553 4008.310791,3320.610352 4004.008301,3323.789551
	C4001.183105,3319.471191 3999.765381,3314.635742 3997.479004,3308.865967
	C3994.821045,3295.789062 3993.032227,3283.646240 3992.428711,3269.311035
	C3999.852783,3263.444336 4001.629395,3256.708740 4004.479492,3250.833740
	C4024.462158,3209.639404 4044.290527,3168.370361 4064.167969,3127.125000
z"/>
<path fill="#C6D2E7" opacity="1.000000" stroke="none"
	d="
M3682.911621,3699.470703
	C3665.474609,3694.176270 3649.557129,3688.858398 3632.635254,3681.251221
	C3631.919922,3673.541992 3632.799561,3668.285400 3637.972412,3665.241455
	C3651.881592,3657.056396 3661.008301,3643.867676 3672.924805,3632.000000
	C3676.127930,3632.000000 3680.063477,3632.000000 3683.999512,3632.000000
	C3687.546875,3641.855469 3691.094238,3651.710938 3695.400879,3662.787598
	C3698.135742,3672.323486 3700.181885,3680.622070 3702.058105,3688.959229
	C3703.034424,3693.296631 3703.711914,3697.701660 3704.882568,3704.002930
	C3696.788330,3702.199951 3690.609619,3700.823486 3682.911621,3699.470703
z"/>
<path fill="#6D778A" opacity="1.000000" stroke="none"
	d="
M3160.137695,4090.664062
	C3147.427979,4082.789795 3136.599609,4071.863525 3129.291992,4057.380859
	C3133.718994,4055.329346 3137.145752,4055.135498 3140.097900,4053.850830
	C3150.322266,4049.401611 3160.057373,4043.610596 3170.565674,4040.073730
	C3200.251953,4030.081299 3226.800781,4013.612549 3254.934326,4000.441895
	C3261.132568,3997.540039 3266.089844,3993.352539 3268.221680,3986.520020
	C3284.481689,3989.618164 3300.741699,3992.716064 3318.574707,3996.280273
	C3319.612061,4003.418213 3315.262939,4007.467041 3310.115723,4010.735107
	C3306.770508,4012.858643 3303.034912,4014.358154 3299.527344,4016.236084
	C3282.015625,4025.611328 3264.646484,4035.262695 3246.980469,4044.336670
	C3233.493652,4051.264404 3219.718262,4057.649170 3205.924805,4063.954834
	C3192.694824,4070.003418 3179.167236,4075.410400 3166.035156,4081.655518
	C3163.506836,4082.857666 3162.202637,4086.633301 3160.137695,4090.664062
z"/>
<path fill="#586174" opacity="1.000000" stroke="none"
	d="
M3267.483887,3985.779297
	C3266.089844,3993.352539 3261.132568,3997.540039 3254.934326,4000.441895
	C3226.800781,4013.612549 3200.251953,4030.081299 3170.565674,4040.073730
	C3160.057373,4043.610596 3150.322266,4049.401611 3140.097900,4053.850830
	C3137.145752,4055.135498 3133.718994,4055.329346 3128.894043,4056.060303
	C3120.697266,4051.658691 3115.511719,4046.019287 3113.506836,4037.220215
	C3133.074219,4026.616455 3152.439453,4019.772949 3170.379395,4009.528320
	C3186.459961,4000.345459 3203.871338,3993.492920 3220.698730,3985.619385
	C3225.569336,3983.340576 3230.363037,3980.988281 3233.686035,3975.418457
	C3243.450684,3977.194580 3251.638916,3978.822510 3259.827148,3980.450439
	C3262.133545,3981.979980 3264.439697,3983.509277 3267.483887,3985.779297
z"/>
<path fill="#09183A" opacity="1.000000" stroke="none"
	d="
M3259.987793,3979.097412
	C3251.638916,3978.822510 3243.450684,3977.194580 3232.711914,3974.448975
	C3217.441162,3968.893066 3204.720459,3964.454834 3191.143311,3958.939941
	C3181.555664,3954.540527 3172.824463,3951.218018 3163.390381,3946.887207
	C3159.024170,3942.695557 3155.361328,3939.511719 3152.957520,3935.743164
	C3160.529297,3931.519043 3168.277832,3929.174561 3169.466309,3919.853516
	C3174.953613,3921.451416 3179.111328,3922.913574 3184.254395,3925.402344
	C3199.511475,3932.162354 3213.783936,3937.895264 3228.056152,3943.628418
	C3239.155273,3947.793213 3250.254395,3951.958008 3262.763672,3956.701660
	C3266.498779,3961.241943 3268.587158,3964.996582 3264.657715,3969.461670
	C3262.632568,3971.762939 3261.619141,3974.954834 3259.987793,3979.097412
z"/>
<path fill="#123E92" opacity="1.000000" stroke="none"
	d="
M3406.675293,4004.952637
	C3407.286377,4005.276855 3405.922852,4006.068115 3405.922852,4006.068115
	C3405.922852,4006.068115 3404.428955,4005.561279 3403.863281,4004.997803
	C3404.239502,4004.222900 3405.161377,4004.287598 3406.675293,4004.952637
z"/>
<path fill="#475062" opacity="1.000000" stroke="none"
	d="
M4052.247559,3091.674805
	C4049.685303,3091.775391 4047.095703,3091.672852 4044.565674,3092.013428
	C4035.688477,3093.208496 4034.131348,3096.898193 4039.124756,3104.946533
	C4040.124512,3106.557617 4041.635498,3107.851562 4042.213867,3110.804199
	C4033.779053,3115.473145 4032.430908,3123.278320 4029.495361,3129.628906
	C4018.160156,3154.148926 4007.312500,3178.893799 3996.181396,3203.508789
	C3994.281982,3207.708740 3992.217773,3211.911377 3989.628174,3215.702148
	C3986.612549,3220.117432 3982.781250,3223.837402 3976.817383,3223.935303
	C3976.817383,3223.935303 3975.008057,3223.682373 3973.784180,3222.101562
	C3970.978027,3214.792725 3969.375732,3209.070312 3967.819092,3203.335449
	C3966.437500,3198.246582 3965.106689,3193.144287 3965.027344,3187.468262
	C3974.113037,3181.952637 3977.409668,3173.801514 3980.912842,3165.919922
	C3989.807861,3145.907715 3998.925293,3125.977051 4007.147461,3105.687012
	C4021.100342,3071.252686 4034.365723,3036.540527 4048.076416,3002.007080
	C4051.338623,2993.790771 4052.479004,2985.359619 4053.683594,2976.297363
	C4067.374023,2970.619141 4079.667236,2965.282471 4091.978027,2961.565186
	C4091.465820,2967.106445 4091.593994,2971.261230 4090.300537,2974.912598
	C4081.445312,2999.908203 4072.089600,3024.727539 4063.315674,3049.751221
	C4058.530029,3063.400879 4051.053955,3076.418945 4052.247559,3091.674805
z"/>
<path fill="#586174" opacity="1.000000" stroke="none"
	d="
M3976.839844,3225.411133
	C3982.781250,3223.837402 3986.612549,3220.117432 3989.628174,3215.702148
	C3992.217773,3211.911377 3994.281982,3207.708740 3996.181396,3203.508789
	C4007.312500,3178.893799 4018.160156,3154.148926 4029.495361,3129.628906
	C4032.430908,3123.278320 4033.779053,3115.473145 4042.948730,3112.044678
	C4050.572021,3116.162598 4056.763428,3120.552490 4063.561523,3126.033691
	C4044.290527,3168.370361 4024.462158,3209.639404 4004.479492,3250.833740
	C4001.629395,3256.708740 3999.852783,3263.444336 3992.221680,3267.624512
	C3986.173340,3254.382324 3981.517822,3240.634766 3976.839844,3225.411133
z"/>
<path fill="#061232" opacity="1.000000" stroke="none"
	d="
M3963.753174,3188.047852
	C3965.106689,3193.144287 3966.437500,3198.246582 3967.819092,3203.335449
	C3969.375732,3209.070312 3970.978027,3214.792725 3972.873291,3222.038086
	C3970.015625,3226.580811 3966.924316,3229.695068 3963.650879,3232.604736
	C3960.872559,3235.074463 3957.884277,3237.307861 3953.642090,3239.791504
	C3950.213135,3235.202637 3948.131592,3230.468506 3945.118164,3223.334961
	C3939.058838,3209.431641 3933.931885,3197.927979 3928.681885,3185.107910
	C3924.325928,3175.869629 3920.092773,3167.947754 3915.980469,3158.996582
	C3916.176270,3157.280273 3916.250977,3156.593506 3917.656250,3155.770996
	C3927.844971,3153.816895 3928.966064,3143.596924 3937.083740,3140.594238
	C3941.254150,3144.880371 3944.425537,3148.461670 3947.849609,3153.483643
	C3953.976074,3165.655029 3954.954102,3178.699219 3963.753174,3188.047852
z"/>
<path fill="#A8B4C8" opacity="1.000000" stroke="none"
	d="
M3672.419678,3587.968994
	C3672.864014,3590.761719 3673.308350,3593.554199 3672.369629,3598.065430
	C3668.058594,3601.196045 3664.501709,3601.966309 3662.302490,3604.121826
	C3642.951904,3623.088379 3623.731445,3642.192383 3604.794189,3661.570557
	C3602.273193,3664.150391 3601.552002,3668.489014 3598.566162,3672.110840
	C3590.084961,3669.509277 3583.035156,3666.810059 3575.989258,3662.573730
	C3575.369141,3654.019287 3577.183350,3647.977783 3582.744385,3643.258789
	C3588.773438,3638.142334 3594.898438,3633.108887 3600.591064,3627.633545
	C3611.047852,3617.576416 3621.367676,3607.365723 3631.451172,3596.935547
	C3637.396729,3590.785645 3642.810303,3584.118408 3648.402832,3577.631836
	C3652.727539,3572.615967 3658.474854,3571.685547 3665.509766,3572.677734
	C3668.412354,3578.396240 3670.416016,3583.182617 3672.419678,3587.968994
z"/>
<path fill="#051029" opacity="1.000000" stroke="none"
	d="
M3673.772461,3587.817383
	C3670.416016,3583.182617 3668.412354,3578.396240 3665.511719,3571.198242
	C3661.515137,3560.559326 3658.415283,3552.331543 3655.259766,3542.662109
	C3650.341309,3529.554199 3645.478516,3517.888672 3640.598633,3504.829590
	C3637.864014,3495.578857 3635.146729,3487.720947 3633.874023,3479.865234
	C3642.408936,3477.190674 3649.499023,3474.514160 3657.362305,3471.902832
	C3658.135254,3471.968018 3659.680420,3472.129883 3659.857910,3473.572266
	C3664.010742,3484.675049 3667.986084,3494.335449 3672.053711,3505.423340
	C3675.415283,3515.330811 3678.684082,3523.811035 3682.264648,3533.807617
	C3685.995605,3544.901855 3689.414795,3554.480469 3692.833984,3564.059082
	C3692.875488,3565.538330 3692.916748,3567.017578 3692.982178,3569.610352
	C3688.547363,3577.956055 3683.574951,3584.645752 3673.772461,3587.817383
z"/>
<path fill="#BAC5D9" opacity="1.000000" stroke="none"
	d="
M3599.997314,3672.013184
	C3601.552002,3668.489014 3602.273193,3664.150391 3604.794189,3661.570557
	C3623.731445,3642.192383 3642.951904,3623.088379 3662.302490,3604.121826
	C3664.501709,3601.966309 3668.058594,3601.196045 3672.519043,3599.487305
	C3677.421631,3609.135254 3680.791504,3619.079834 3684.080322,3630.512207
	C3680.063477,3632.000000 3676.127930,3632.000000 3672.924805,3632.000000
	C3661.008301,3643.867676 3651.881592,3657.056396 3637.972412,3665.241455
	C3632.799561,3668.285400 3631.919922,3673.541992 3631.384277,3680.579102
	C3624.424072,3680.337646 3617.710938,3678.479004 3608.510498,3676.057617
	C3604.014648,3674.334229 3602.005859,3673.173828 3599.997314,3672.013184
z"/>
<path fill="#0C1630" opacity="1.000000" stroke="none"
	d="
M3598.566162,3672.110840
	C3602.005859,3673.173828 3604.014648,3674.334229 3607.023682,3676.098633
	C3606.886963,3679.577637 3605.736572,3682.448242 3604.615723,3685.330322
	C3603.062256,3689.323975 3601.531006,3693.326172 3599.940430,3698.769531
	C3589.002197,3697.295166 3578.113770,3694.376465 3564.687500,3690.363281
	C3552.101807,3686.213135 3542.054199,3683.157715 3530.884766,3679.273193
	C3522.696289,3676.163574 3515.629395,3673.883057 3507.567871,3670.624512
	C3499.049561,3666.315674 3491.525146,3662.984863 3484.170898,3658.247070
	C3486.743164,3649.804199 3494.151855,3644.618652 3493.453369,3635.908691
	C3498.431885,3636.122559 3502.028564,3636.353760 3506.427979,3637.882324
	C3519.367920,3643.703125 3531.505371,3648.226562 3544.710938,3653.675781
	C3555.847900,3657.771240 3565.916748,3660.941162 3575.985352,3664.110840
	C3583.035156,3666.810059 3590.084961,3669.509277 3598.566162,3672.110840
z"/>
<path fill="#7D889C" opacity="1.000000" stroke="none"
	d="
M2889.757812,4204.019531
	C2897.629395,4190.997559 2907.247559,4177.997559 2919.573730,4164.366699
	C2924.888184,4163.398926 2927.592773,4163.398926 2930.087158,4162.675293
	C2959.851318,4154.037598 2989.740234,4145.807129 3018.702393,4134.603516
	C3034.716797,4128.409180 3050.797852,4122.339355 3067.074951,4116.889160
	C3077.645264,4113.350098 3088.623535,4111.029297 3099.418945,4108.162109
	C3099.063477,4119.284180 3098.708008,4130.405762 3097.376465,4142.771484
	C3063.168213,4155.251953 3029.946289,4166.518555 2996.699951,4177.710938
	C2981.673096,4182.769531 2966.880127,4188.976562 2951.473877,4192.340332
	C2931.602051,4196.679688 2912.635498,4206.147461 2889.757812,4204.019531
z"/>
<path fill="#475062" opacity="1.000000" stroke="none"
	d="
M3192.000000,3960.016357
	C3204.720459,3964.454834 3217.441162,3968.893066 3231.135742,3974.300781
	C3230.363037,3980.988281 3225.569336,3983.340576 3220.698730,3985.619385
	C3203.871338,3993.492920 3186.459961,4000.345459 3170.379395,4009.528320
	C3152.439453,4019.772949 3133.074219,4026.616455 3113.250000,4035.925049
	C3110.087402,4035.216797 3108.479004,4034.055664 3106.683838,4033.510254
	C3099.378662,4031.291504 3097.595703,4032.290039 3095.987549,4039.490234
	C3095.577881,4041.323975 3095.784912,4043.295654 3094.029785,4046.648193
	C3085.990234,4049.455322 3079.373535,4050.110352 3073.312500,4052.302490
	C3045.013184,4062.536865 3016.700928,4072.779785 2988.768555,4083.958252
	C2980.432373,4087.294434 2972.371582,4088.107422 2963.817871,4087.911865
	C2965.192627,4083.559082 2966.567627,4079.206299 2969.071777,4072.645996
	C2973.468262,4064.292236 2976.735107,4058.145996 2981.616211,4052.003174
	C2987.752441,4051.224854 2992.487793,4051.052246 2996.760498,4049.557373
	C3016.086182,4042.796387 3035.515381,4036.239258 3054.470947,4028.533936
	C3088.734619,4014.606445 3122.739014,4000.033691 3156.735352,3985.459229
	C3165.855225,3981.549316 3174.509033,3976.563477 3183.465576,3972.256592
	C3188.711182,3969.733887 3191.917725,3966.024170 3192.000000,3960.016357
z"/>
<path fill="#6A7588" opacity="1.000000" stroke="none"
	d="
M3099.720703,4106.403320
	C3088.623535,4111.029297 3077.645264,4113.350098 3067.074951,4116.889160
	C3050.797852,4122.339355 3034.716797,4128.409180 3018.702393,4134.603516
	C2989.740234,4145.807129 2959.851318,4154.037598 2930.087158,4162.675293
	C2927.592773,4163.398926 2924.888184,4163.398926 2920.613037,4163.546875
	C2920.282959,4160.324707 2921.621338,4157.291016 2923.296143,4153.050293
	C2929.658203,4143.085449 2935.684326,4134.327148 2944.309814,4124.731445
	C2990.178955,4112.071777 3032.243652,4096.650879 3074.060791,4080.603760
	C3082.362305,4077.417969 3090.253906,4075.297119 3098.995361,4076.322510
	C3099.337891,4085.762939 3099.680176,4095.203613 3099.720703,4106.403320
z"/>
<path fill="#586174" opacity="1.000000" stroke="none"
	d="
M3099.242676,4074.745605
	C3090.253906,4075.297119 3082.362305,4077.417969 3074.060791,4080.603760
	C3032.243652,4096.650879 2990.178955,4112.071777 2945.319336,4123.862305
	C2949.745605,4112.444824 2955.761963,4101.058594 2962.798096,4088.792236
	C2972.371582,4088.107422 2980.432373,4087.294434 2988.768555,4083.958252
	C3016.700928,4072.779785 3045.013184,4062.536865 3073.312500,4052.302490
	C3079.373535,4050.110352 3085.990234,4049.455322 3093.901367,4048.187012
	C3096.797607,4056.577148 3098.143799,4064.872803 3099.242676,4074.745605
z"/>
<path fill="#707B8E" opacity="1.000000" stroke="none"
	d="
M4140.775879,2929.301758
	C4152.748535,2922.113281 4164.721191,2914.925049 4178.017578,2907.329834
	C4180.242676,2914.862061 4179.429199,2922.418945 4177.409180,2930.344482
	C4173.665527,2945.032471 4169.598145,2959.484131 4164.310547,2973.736328
	C4158.133301,2990.386719 4153.868164,3007.735107 4148.271484,3024.614502
	C4143.086914,3040.252686 4137.003418,3055.592773 4131.803711,3071.226318
	C4129.748047,3077.406250 4129.012207,3084.024902 4127.358887,3092.265869
	C4114.102051,3098.109375 4100.888672,3095.688965 4085.940430,3093.990723
	C4084.965820,3086.423584 4084.662109,3080.125488 4086.884033,3074.901611
	C4103.447266,3035.959961 4115.350586,2995.415039 4128.553223,2955.322754
	C4130.573730,2949.187256 4130.898438,2942.493164 4132.002930,2936.026367
	C4131.997559,2935.995361 4132.045898,2935.992432 4132.870117,2935.665039
	C4134.741211,2934.712891 4135.517578,2933.845459 4136.954102,2932.368652
	C4139.102539,2931.373535 4140.065918,2930.473633 4140.775879,2929.301758
z"/>
<path fill="#5B6477" opacity="1.000000" stroke="none"
	d="
M4132.007812,2936.057129
	C4130.898438,2942.493164 4130.573730,2949.187256 4128.553223,2955.322754
	C4115.350586,2995.415039 4103.447266,3035.959961 4086.884033,3074.901611
	C4084.662109,3080.125488 4084.965820,3086.423584 4084.185059,3093.806885
	C4074.295410,3097.323975 4064.905029,3094.218994 4053.827148,3091.858643
	C4051.053955,3076.418945 4058.530029,3063.400879 4063.315674,3049.751221
	C4072.089600,3024.727539 4081.445312,2999.908203 4090.300537,2974.912598
	C4091.593994,2971.261230 4091.465820,2967.106445 4092.862305,2960.541504
	C4106.488281,2950.618164 4119.247559,2943.337646 4132.007812,2936.057129
z"/>
<path fill="#7897D1" opacity="1.000000" stroke="none"
	d="
M1168.673584,1275.861572
	C1172.964355,1283.168945 1175.683716,1290.566528 1179.386230,1300.448853
	C1181.051636,1305.865601 1181.733887,1308.797852 1180.834473,1311.824219
	C1171.136719,1312.898438 1166.777954,1319.070435 1162.098633,1324.618164
	C1159.550415,1327.639282 1157.883789,1331.399048 1155.366943,1334.452637
	C1135.152344,1358.977783 1113.628296,1382.530151 1094.828979,1408.089478
	C1068.175537,1444.326904 1042.122070,1481.019165 1017.793457,1518.977783
	C994.834106,1554.799683 973.799438,1591.604126 953.446777,1628.883301
	C949.956360,1635.276611 946.237183,1641.690186 941.616272,1647.258423
	C939.385742,1649.946411 934.815674,1650.692749 930.441895,1651.462158
	C927.804749,1647.034302 926.030579,1643.462524 924.256409,1639.890869
	C921.602966,1630.237671 918.949585,1620.584473 916.346313,1609.434692
	C922.153320,1608.413086 926.261475,1606.710938 929.461365,1601.203613
	C940.773010,1581.734863 952.836304,1562.703979 964.226929,1543.279785
	C986.698059,1504.960327 1010.917725,1467.818481 1037.381470,1432.126343
	C1049.197998,1416.189209 1060.102539,1399.562378 1072.220215,1383.865723
	C1086.352661,1365.558960 1101.371094,1347.936768 1115.981812,1329.998657
	C1125.576904,1318.218262 1135.020874,1306.312866 1144.742432,1294.638428
	C1151.032349,1287.084839 1156.384888,1278.266235 1168.673584,1275.861572
z"/>
<path fill="#7897D1" opacity="1.000000" stroke="none"
	d="
M1312.048462,1179.709717
	C1302.588257,1177.053833 1293.128174,1174.397949 1281.540283,1170.767700
	C1278.256836,1168.914551 1276.989990,1168.703857 1275.611938,1169.161011
	C1275.611938,1169.161011 1275.420776,1168.370850 1275.731934,1168.109375
	C1277.635620,1164.316284 1278.401489,1159.945923 1280.974609,1157.408569
	C1288.980347,1149.514404 1297.677002,1142.321655 1306.093872,1134.843506
	C1309.570312,1131.754761 1313.242798,1128.847168 1316.435913,1125.486450
	C1328.839111,1112.432251 1343.463379,1102.087891 1357.583740,1091.097046
	C1373.264404,1078.891724 1388.645752,1066.301636 1404.155640,1053.876953
	C1406.228516,1052.216431 1408.183838,1050.385376 1410.373169,1048.897827
	C1446.593994,1024.286377 1482.456177,999.117798 1519.221191,975.346436
	C1544.276611,959.146240 1570.558228,944.834473 1596.399902,929.865479
	C1601.668823,926.813354 1607.170166,924.357605 1608.442139,915.886475
	C1616.735229,916.396606 1624.723267,918.437256 1635.205811,921.385620
	C1642.436768,924.387390 1647.173218,926.481506 1651.885986,930.005371
	C1651.913818,935.850647 1649.903687,938.723328 1645.978394,940.934082
	C1627.486450,951.349182 1609.563965,962.873718 1590.613892,972.354431
	C1560.240234,987.550293 1532.573975,1006.987793 1504.369995,1025.538208
	C1464.532227,1051.740479 1425.984131,1079.815308 1388.583496,1109.430054
	C1382.876953,1113.948608 1376.516846,1117.774902 1371.379028,1122.852173
	C1358.125610,1135.949707 1343.191284,1146.881836 1328.571777,1158.295898
	C1321.503418,1163.814453 1313.032593,1169.118286 1312.048462,1179.709717
z"/>
<path fill="#36476D" opacity="1.000000" stroke="none"
	d="
M1252.575195,1161.927979
	C1251.920898,1162.574951 1250.564819,1162.444946 1248.518555,1161.506714
	C1249.176758,1160.849365 1250.525269,1161.000122 1252.575195,1161.927979
z"/>
<path fill="#334467" opacity="1.000000" stroke="none"
	d="
M1268.131470,1166.656494
	C1268.763184,1167.408691 1266.819824,1167.630371 1266.819824,1167.630371
	C1266.819824,1167.630371 1265.007690,1166.894531 1264.389404,1166.139893
	C1265.115601,1164.828125 1266.358521,1165.001099 1268.131470,1166.656494
z"/>
<path fill="#C6D2E7" opacity="1.000000" stroke="none"
	d="
M1192.281372,1247.942749
	C1188.371948,1236.866577 1184.462524,1225.790283 1179.921021,1213.359863
	C1175.857422,1197.960327 1172.425781,1183.915161 1168.654175,1168.478271
	C1173.360107,1168.478271 1177.258789,1167.701904 1180.710449,1168.615234
	C1194.167236,1172.176392 1207.482300,1176.272583 1222.417725,1180.084351
	C1231.037476,1182.570679 1238.089722,1185.142456 1246.686890,1188.508057
	C1248.231812,1189.302002 1248.849976,1190.439819 1248.542480,1191.902344
	C1244.960815,1198.104492 1242.145874,1203.257446 1238.323242,1207.503296
	C1228.300415,1218.635986 1217.763550,1229.304199 1207.586426,1240.300659
	C1203.380005,1244.845947 1198.378662,1247.388916 1192.281372,1247.942749
z"/>
<path fill="#939EB2" opacity="1.000000" stroke="none"
	d="
M1660.173096,735.659973
	C1669.197754,737.651917 1675.696289,743.959534 1683.557861,751.605164
	C1684.134521,759.298950 1682.158569,763.182739 1677.266846,765.166565
	C1671.165405,767.641052 1664.791260,769.568970 1658.957153,772.557312
	C1615.466919,794.834045 1572.048950,817.252808 1528.701050,839.805603
	C1522.880737,842.833801 1517.451050,846.679016 1512.079346,850.483215
	C1507.681763,853.597534 1504.159180,857.541626 1503.863037,863.396240
	C1487.691895,862.468140 1471.520752,861.540039 1453.670776,860.274048
	C1452.105835,854.865356 1454.458374,851.243652 1458.788574,848.593323
	C1468.927368,842.387939 1478.794678,835.722534 1489.082153,829.780457
	C1503.394531,821.513489 1517.845947,813.460754 1532.493652,805.805786
	C1570.046021,786.180969 1607.756348,766.859131 1645.351196,747.315125
	C1649.337769,745.242676 1654.209717,743.957520 1656.864014,737.351868
	C1658.801636,735.892395 1659.487427,735.776184 1660.173096,735.659973
z"/>
<path fill="#808B9E" opacity="1.000000" stroke="none"
	d="
M1505.494873,863.818542
	C1504.159180,857.541626 1507.681763,853.597534 1512.079346,850.483215
	C1517.451050,846.679016 1522.880737,842.833801 1528.701050,839.805603
	C1572.048950,817.252808 1615.466919,794.834045 1658.957153,772.557312
	C1664.791260,769.568970 1671.165405,767.641052 1677.266846,765.166565
	C1682.158569,763.182739 1684.134521,759.298950 1684.353638,752.654053
	C1696.759399,756.172058 1704.817505,766.201355 1714.389404,777.576416
	C1707.214355,789.140503 1695.461670,792.697327 1684.753052,797.246948
	C1645.113281,814.088135 1607.531738,834.885742 1569.675537,855.197998
	C1563.041992,858.757446 1557.111816,862.701050 1555.814331,870.868164
	C1539.585083,868.659058 1523.355957,866.449890 1505.494873,863.818542
z"/>
<path fill="#707B8E" opacity="1.000000" stroke="none"
	d="
M1556.584961,871.395996
	C1557.111816,862.701050 1563.041992,858.757446 1569.675537,855.197998
	C1607.531738,834.885742 1645.113281,814.088135 1684.753052,797.246948
	C1695.461670,792.697327 1707.214355,789.140503 1715.495361,778.372925
	C1715.707275,777.088379 1717.669189,776.791260 1719.297241,777.933838
	C1727.378540,787.233948 1736.953369,792.813232 1740.085938,804.412476
	C1733.893555,809.294556 1728.718262,813.533569 1722.866943,816.386536
	C1694.205444,830.361328 1665.339111,843.915588 1636.600586,857.733521
	C1627.610352,862.056152 1618.833252,866.820496 1609.878418,871.219421
	C1605.785278,873.230042 1604.135742,876.484619 1603.971313,880.787231
	C1590.564941,878.772156 1577.158569,876.757141 1562.054199,874.397278
	C1559.500488,873.139526 1558.500244,872.429932 1556.584961,871.395996
z"/>
<path fill="#808B9E" opacity="1.000000" stroke="none"
	d="
M776.489502,1711.706177
	C769.979065,1703.313599 763.468567,1694.921021 756.363037,1685.348877
	C759.516602,1680.541260 764.587891,1677.576294 766.795044,1673.175171
	C779.290527,1648.257812 791.257568,1623.070312 803.102173,1597.832886
	C817.505554,1567.143311 834.791992,1538.048584 851.644653,1508.703247
	C854.705566,1503.373291 858.163330,1498.706177 865.301147,1496.027100
	C868.732788,1513.235107 870.887939,1530.714478 871.819092,1550.465088
	C863.076172,1556.814209 859.795959,1564.167358 856.316101,1571.330200
	C835.177490,1614.841675 814.017273,1658.342896 793.010559,1701.917969
	C790.197754,1707.752686 786.611877,1711.926270 778.918457,1712.029785
	C778.112000,1711.903320 776.489563,1711.706177 776.489502,1711.706177
z"/>
<path fill="#6D778A" opacity="1.000000" stroke="none"
	d="
M779.724976,1712.156372
	C786.611877,1711.926270 790.197754,1707.752686 793.010559,1701.917969
	C814.017273,1658.342896 835.177490,1614.841675 856.316101,1571.330200
	C859.795959,1564.167358 863.076172,1556.814209 872.006348,1552.222900
	C874.617004,1554.055176 875.816345,1556.400513 877.630371,1559.519775
	C880.556274,1574.994873 882.867615,1589.696167 883.987793,1606.554932
	C880.289124,1611.682251 877.042175,1614.291504 875.390076,1617.678467
	C861.175659,1646.818848 847.273926,1676.111572 833.222107,1705.331299
	C828.950317,1714.214233 824.315796,1722.927002 820.215393,1731.886108
	C818.319519,1736.028442 817.307190,1740.575073 814.572998,1744.455078
	C804.233582,1737.297852 795.141479,1730.720459 786.232117,1723.904297
	C782.459717,1721.018188 779.659058,1717.307739 779.724976,1712.156372
z"/>
<path fill="#475062" opacity="1.000000" stroke="none"
	d="
M1911.353638,779.743774
	C1905.746704,791.339661 1900.139771,802.935547 1891.915771,815.342285
	C1881.729004,818.366089 1874.012695,820.177002 1866.621094,822.876709
	C1851.784668,828.295593 1837.139038,834.234741 1822.390015,839.894958
	C1802.662231,847.466003 1782.520874,854.102844 1763.260864,862.714905
	C1733.730103,875.919678 1704.799438,890.466187 1674.119141,904.331177
	C1665.902344,902.664246 1659.180542,901.109314 1652.458618,899.554382
	C1650.044434,897.809692 1647.630127,896.065002 1644.724609,891.942871
	C1645.116943,884.410156 1648.617554,881.610840 1653.068726,879.567749
	C1678.980225,867.674561 1704.854370,855.699951 1730.788208,843.855835
	C1741.002197,839.191101 1751.933594,835.880981 1761.440674,828.430847
	C1763.617676,829.965149 1764.494995,830.898132 1765.535889,831.582336
	C1775.445801,838.096008 1778.635986,836.766724 1779.868408,825.594482
	C1780.074097,823.729675 1779.974365,821.831238 1781.609863,819.969971
	C1787.118896,819.449524 1791.278442,819.578674 1794.909058,818.255981
	C1817.903442,809.879089 1840.727417,801.034546 1863.718872,792.649292
	C1875.506958,788.350037 1888.076050,786.490845 1899.539429,780.939087
	C1902.885620,779.318481 1907.383545,780.076172 1911.353638,779.743774
z"/>
<path fill="#5B6477" opacity="1.000000" stroke="none"
	d="
M1760.216919,827.714111
	C1751.933594,835.880981 1741.002197,839.191101 1730.788208,843.855835
	C1704.854370,855.699951 1678.980225,867.674561 1653.068726,879.567749
	C1648.617554,881.610840 1645.116943,884.410156 1644.059204,891.026489
	C1631.264282,889.236450 1618.643433,885.985291 1604.997070,881.760742
	C1604.135742,876.484619 1605.785278,873.230042 1609.878418,871.219421
	C1618.833252,866.820496 1627.610352,862.056152 1636.600586,857.733521
	C1665.339111,843.915588 1694.205444,830.361328 1722.866943,816.386536
	C1728.718262,813.533569 1733.893555,809.294556 1741.202148,805.158569
	C1748.754761,812.319824 1754.485840,820.016968 1760.216919,827.714111
z"/>
<path fill="#061232" opacity="1.000000" stroke="none"
	d="
M1651.322021,900.365967
	C1659.180542,901.109314 1665.902344,902.664246 1675.035889,905.359497
	C1690.271362,912.260010 1703.095215,918.020203 1716.939575,924.336060
	C1720.001465,927.118774 1722.042969,929.345947 1723.572632,932.767212
	C1718.081299,939.835938 1713.101807,945.710693 1707.069092,951.719971
	C1705.317017,951.966309 1704.618042,952.078064 1702.958862,951.191895
	C1685.302246,942.987854 1668.605957,935.781738 1651.909546,928.575562
	C1647.173218,926.481506 1642.436768,924.387390 1636.757935,921.418335
	C1636.034424,915.766602 1637.910645,912.012268 1641.861572,909.048157
	C1644.896484,906.771484 1647.429321,903.825745 1651.322021,900.365967
z"/>
<path fill="#475062" opacity="1.000000" stroke="none"
	d="
M803.886230,1899.808960
	C799.516479,1901.157837 795.146729,1902.506592 789.382080,1902.318848
	C785.777832,1889.404907 792.636536,1880.384277 795.867188,1870.417847
	C803.838074,1845.828125 812.307861,1821.444092 822.684814,1797.718506
	C825.528076,1791.217651 826.078857,1783.714233 829.125000,1776.486572
	C840.539917,1773.124634 840.850159,1772.567749 837.426697,1763.533691
	C836.979675,1762.354004 836.311462,1761.258057 836.883423,1759.319092
	C841.457275,1752.095215 845.186096,1745.812134 848.257996,1739.222778
	C852.445618,1730.239868 855.932983,1720.931641 860.076538,1711.926636
	C868.100464,1694.488770 876.346130,1677.152344 884.556702,1659.800781
	C887.526489,1653.524780 891.688049,1648.618164 899.270630,1648.065430
	C899.270630,1648.065430 901.073547,1648.263794 902.278931,1649.823486
	C905.189697,1657.411621 906.926086,1663.431274 908.590454,1669.470825
	C909.920105,1674.295776 911.162048,1679.144775 910.967346,1684.117920
	C906.464050,1686.585693 902.476624,1688.336060 900.625305,1691.383789
	C897.580322,1696.396484 896.048157,1702.306641 893.653198,1707.739136
	C879.811890,1739.136353 865.523071,1770.342896 852.157532,1801.940552
	C843.668274,1822.010254 836.289429,1842.563965 828.881714,1863.069946
	C825.989014,1871.077515 822.674744,1879.232422 823.221680,1889.148926
	C816.191345,1893.358398 810.038757,1896.583618 803.886230,1899.808960
z"/>
<path fill="#586174" opacity="1.000000" stroke="none"
	d="
M899.233398,1646.599121
	C891.688049,1648.618164 887.526489,1653.524780 884.556702,1659.800781
	C876.346130,1677.152344 868.100464,1694.488770 860.076538,1711.926636
	C855.932983,1720.931641 852.445618,1730.239868 848.257996,1739.222778
	C845.186096,1745.812134 841.457275,1752.095215 835.710999,1758.798828
	C826.891052,1755.202637 819.833496,1752.000366 815.894287,1744.938477
	C817.307190,1740.575073 818.319519,1736.028442 820.215393,1731.886108
	C824.315796,1722.927002 828.950317,1714.214233 833.222107,1705.331299
	C847.273926,1676.111572 861.175659,1646.818848 875.390076,1617.678467
	C877.042175,1614.291504 880.289124,1611.682251 884.266846,1608.253174
	C890.223450,1620.240234 894.709839,1632.686646 899.233398,1646.599121
z"/>
<path fill="#061232" opacity="1.000000" stroke="none"
	d="
M912.442871,1683.983154
	C911.162048,1679.144775 909.920105,1674.295776 908.590454,1669.470825
	C906.926086,1663.431274 905.189697,1657.411621 903.185425,1649.851074
	C909.055176,1645.618652 915.223877,1642.918457 922.824463,1640.054565
	C926.030579,1643.462524 927.804749,1647.034302 930.509644,1652.953125
	C939.438843,1671.957397 947.437317,1688.614624 955.597351,1706.551270
	C957.295349,1711.841675 958.831726,1715.852905 958.922180,1719.915527
	C948.693298,1719.748413 943.737427,1725.065552 938.922241,1731.332520
	C934.604492,1725.721191 931.319519,1720.857544 927.859985,1714.580566
	C922.604492,1703.439209 917.523682,1693.711182 912.442871,1683.983154
z"/>
<path fill="#6C88BF" opacity="1.000000" stroke="none"
	d="
M1651.885986,930.005371
	C1668.605957,935.781738 1685.302246,942.987854 1702.754883,952.542847
	C1697.238892,964.095947 1687.436401,968.335938 1677.942383,972.950623
	C1627.065308,997.679932 1578.861450,1026.959717 1531.911377,1058.404663
	C1520.887085,1065.788086 1509.009766,1071.987915 1498.453125,1079.961304
	C1474.656250,1097.934692 1449.817627,1114.468384 1427.057007,1133.911865
	C1405.427246,1152.389526 1382.276245,1169.079956 1360.042358,1186.866577
	C1357.796875,1188.662964 1357.265015,1192.601807 1354.466064,1195.447021
	C1339.503418,1191.053589 1326.012451,1186.759399 1312.521484,1182.465332
	C1312.521484,1182.465332 1312.316162,1181.082275 1312.182373,1180.395996
	C1313.032593,1169.118286 1321.503418,1163.814453 1328.571777,1158.295898
	C1343.191284,1146.881836 1358.125610,1135.949707 1371.379028,1122.852173
	C1376.516846,1117.774902 1382.876953,1113.948608 1388.583496,1109.430054
	C1425.984131,1079.815308 1464.532227,1051.740479 1504.369995,1025.538208
	C1532.573975,1006.987793 1560.240234,987.550293 1590.613892,972.354431
	C1609.563965,962.873718 1627.486450,951.349182 1645.978394,940.934082
	C1649.903687,938.723328 1651.913818,935.850647 1651.885986,930.005371
z"/>
<path fill="#9FAABE" opacity="1.000000" stroke="none"
	d="
M1291.963135,1204.189453
	C1294.822754,1204.562622 1297.682373,1204.935669 1303.041260,1206.268799
	C1314.644409,1210.890991 1323.748291,1214.553345 1332.532471,1219.717163
	C1329.842529,1225.099976 1328.115356,1229.617432 1325.002441,1232.763916
	C1294.219116,1263.877686 1263.195679,1294.753540 1232.273804,1325.730225
	C1228.908813,1329.101318 1225.379761,1331.962280 1219.491943,1330.725342
	C1213.409546,1315.582520 1208.138062,1301.656128 1202.866699,1287.729614
	C1202.866699,1287.729614 1203.914429,1287.942383 1205.828125,1287.957153
	C1212.794800,1288.142334 1216.460693,1285.537720 1219.845337,1282.144897
	C1241.812500,1260.125244 1263.806152,1238.131836 1285.833130,1216.171875
	C1289.207886,1212.807373 1291.982910,1209.240723 1291.963135,1204.189453
z"/>
<path fill="#B3BED3" opacity="1.000000" stroke="none"
	d="
M1290.728027,1203.375244
	C1291.982910,1209.240723 1289.207886,1212.807373 1285.833130,1216.171875
	C1263.806152,1238.131836 1241.812500,1260.125244 1219.845337,1282.144897
	C1216.460693,1285.537720 1212.794800,1288.142334 1206.347656,1288.082764
	C1200.675171,1275.781006 1196.396851,1263.368530 1192.199951,1249.449341
	C1198.378662,1247.388916 1203.380005,1244.845947 1207.586426,1240.300659
	C1217.763550,1229.304199 1228.300415,1218.635986 1238.323242,1207.503296
	C1242.145874,1203.257446 1244.960815,1198.104492 1249.375854,1191.642334
	C1250.516846,1189.919922 1252.015381,1189.015869 1252.015381,1189.015869
	C1264.507935,1193.530884 1277.000488,1198.046021 1290.728027,1203.375244
z"/>
<path fill="#051029" opacity="1.000000" stroke="none"
	d="
M1332.852173,1218.215576
	C1323.748291,1214.553345 1314.644409,1210.890991 1304.488525,1206.432739
	C1306.090088,1198.890503 1308.743652,1192.144165 1311.959351,1183.931641
	C1326.012451,1186.759399 1339.503418,1191.053589 1355.672974,1196.298584
	C1372.216309,1202.210083 1386.080933,1207.170532 1400.033691,1212.897949
	C1400.121948,1213.664917 1400.225708,1215.205688 1400.051392,1216.641357
	C1398.444824,1220.881348 1396.701538,1223.575195 1395.655640,1226.516968
	C1394.205444,1230.596191 1393.279297,1234.861694 1390.728760,1239.023438
	C1382.240967,1236.620972 1375.153198,1234.242432 1367.016968,1230.912354
	C1354.929688,1226.045654 1343.890991,1222.130615 1332.852173,1218.215576
z"/>
<path fill="#394B70" opacity="1.000000" stroke="none"
	d="
M1251.459961,1188.494141
	C1252.015381,1189.015869 1250.516846,1189.919922 1249.683350,1190.179932
	C1248.849976,1190.439819 1248.231812,1189.302002 1248.095581,1188.669189
	C1248.929443,1187.481323 1249.911133,1187.460083 1251.459961,1188.494141
z"/>
<path fill="#36476D" opacity="1.000000" stroke="none"
	d="
M1276.263184,1169.916016
	C1276.989990,1168.703857 1278.256836,1168.914551 1280.075439,1170.538086
	C1280.738281,1171.282959 1278.749146,1171.458862 1278.749146,1171.458862
	C1278.749146,1171.458862 1276.914551,1170.670898 1276.263184,1169.916016
z"/>
<path fill="#051029" opacity="1.000000" stroke="none"
	d="
M1201.526733,1287.850342
	C1208.138062,1301.656128 1213.409546,1315.582520 1219.458984,1332.172485
	C1224.215698,1344.547485 1228.194458,1354.258911 1232.193726,1365.388306
	C1234.596924,1373.891113 1236.979736,1380.976074 1237.930420,1388.073730
	C1233.022339,1389.365356 1229.531128,1390.604492 1226.074707,1391.933960
	C1222.602905,1393.269409 1219.165649,1394.694946 1214.891602,1395.910889
	C1214.069824,1395.740845 1212.433472,1395.365845 1212.237915,1393.917725
	C1207.242065,1380.250854 1202.441772,1368.031982 1197.337891,1354.289917
	C1192.161621,1339.087769 1187.288940,1325.408936 1182.416260,1311.729980
	C1181.733887,1308.797852 1181.051636,1305.865601 1180.286621,1301.429565
	C1183.303467,1297.448975 1186.191650,1294.619629 1189.563477,1292.596191
	C1192.847046,1290.625366 1196.625488,1289.479126 1201.526733,1287.850342
z"/>
<path fill="#808B9E" opacity="1.000000" stroke="none"
	d="
M669.912109,1980.734619
	C667.079468,1967.777954 668.828430,1954.978027 672.944092,1941.971313
	C682.735535,1911.027466 690.733154,1879.511353 700.724060,1848.636841
	C707.450928,1827.849243 716.347473,1807.764038 724.259949,1787.359497
	C725.455444,1784.276611 726.578247,1781.165527 727.839233,1776.514648
	C733.688354,1773.874756 739.433044,1772.787842 748.131592,1771.608032
	C754.068787,1771.675903 757.052124,1771.836670 759.998535,1773.558838
	C759.204834,1778.333862 758.700867,1781.632324 757.653259,1784.748169
	C744.542664,1823.742188 728.282654,1861.661987 717.496643,1901.441040
	C712.651306,1919.311035 705.103882,1936.508789 703.745056,1955.271851
	C697.601135,1955.612671 695.646240,1961.520630 691.517212,1964.549316
	C684.616577,1969.611206 677.974121,1975.025024 669.912109,1980.734619
z"/>
<path fill="#0A255B" opacity="1.000000" stroke="none"
	d="
M760.035461,1771.997314
	C757.052124,1771.836670 754.068787,1771.675903 749.615967,1771.249023
	C748.263428,1760.766357 752.500244,1751.773926 756.577942,1742.744873
	C760.658447,1733.709473 764.689392,1724.646851 769.045105,1715.744507
	C769.793213,1714.215576 772.056641,1713.427979 775.054810,1712.002075
	C776.489563,1711.706177 778.112000,1711.903320 778.918457,1712.029785
	C779.659058,1717.307739 782.459717,1721.018188 786.232117,1723.904297
	C795.141479,1730.720459 804.233582,1737.297852 814.572998,1744.455078
	C819.833496,1752.000366 826.891052,1755.202637 834.573181,1759.603271
	C836.311462,1761.258057 836.979675,1762.354004 837.426697,1763.533691
	C840.850159,1772.567749 840.539917,1773.124634 827.560059,1776.218262
	C815.124084,1773.952515 805.820984,1770.838867 794.121033,1772.105469
	C781.569458,1771.934937 770.802429,1771.966187 760.035461,1771.997314
z"/>
<path fill="#305BA0" opacity="1.000000" stroke="none"
	d="
M703.581909,1776.436523
	C703.783508,1777.607178 702.792908,1778.311279 700.595276,1778.394531
	C700.461853,1777.218018 701.462402,1776.616821 703.581909,1776.436523
z"/>
<path fill="#305BA0" opacity="1.000000" stroke="none"
	d="
M1660.062500,734.777527
	C1659.487427,735.776184 1658.801636,735.892395 1657.074097,735.964233
	C1656.032349,735.919861 1655.846436,734.001648 1655.865967,733.039856
	C1656.556763,732.072571 1657.228271,732.067017 1658.903564,732.089111
	C1659.907349,732.116882 1659.952026,733.895081 1660.062500,734.777527
z"/>
<path fill="#7897D1" opacity="1.000000" stroke="none"
	d="
M2509.455566,4159.912109
	C2511.536621,4151.464844 2515.350830,4143.054688 2520.070801,4132.465332
	C2522.640381,4127.905762 2524.304443,4125.524902 2527.965332,4123.392090
	C2547.787109,4123.763184 2565.709473,4125.917969 2583.231689,4120.326660
	C2586.260742,4119.359863 2589.835938,4120.223145 2593.139160,4119.977051
	C2612.207275,4118.557129 2631.270264,4117.069824 2650.331299,4115.556152
	C2651.631348,4115.453125 2652.889648,4114.899902 2654.184570,4114.645020
	C2665.162842,4112.483398 2676.060059,4109.352051 2687.144043,4108.396973
	C2712.158203,4106.242676 2736.607422,4101.066406 2761.206543,4096.522461
	C2813.191650,4086.920898 2864.261963,4073.734619 2914.882568,4058.610107
	C2925.557373,4055.420410 2936.188477,4051.255615 2947.634277,4053.343262
	C2946.128418,4058.781982 2944.710938,4062.901123 2943.293457,4067.020508
	C2937.871094,4076.539307 2932.448486,4086.058105 2925.971436,4096.455078
	C2922.214355,4095.764893 2918.904297,4092.303467 2916.910156,4092.943359
	C2906.219971,4096.372559 2894.931152,4096.630371 2884.286621,4101.226074
	C2872.294434,4106.403320 2858.936035,4108.480469 2846.104248,4111.629395
	C2835.194824,4114.306641 2824.263672,4117.024902 2813.204346,4118.923828
	C2802.796387,4120.711426 2792.907715,4125.421875 2781.907959,4124.209473
	C2778.774902,4123.863281 2775.275391,4124.880371 2772.229736,4126.029785
	C2755.943604,4132.176270 2738.695068,4133.289551 2721.763184,4136.099121
	C2710.039795,4138.044434 2698.373291,4140.332520 2686.681641,4142.467773
	C2684.078369,4142.943359 2681.491699,4143.707520 2678.870361,4143.851562
	C2658.383057,4144.979492 2638.107910,4147.637695 2617.959473,4151.518066
	C2613.448242,4152.386719 2608.671631,4151.908691 2604.016357,4151.992188
	C2594.741943,4152.159180 2585.429443,4151.278320 2576.453369,4155.063477
	C2573.550049,4156.287598 2569.895752,4155.916016 2566.581787,4155.951660
	C2548.032959,4156.151367 2529.391357,4154.973145 2509.455566,4159.912109
z"/>
<path fill="#7998D3" opacity="1.000000" stroke="none"
	d="
M2354.443848,4132.722656
	C2357.941895,4140.644043 2361.439697,4148.564941 2365.319336,4157.882324
	C2349.792725,4159.895996 2333.885254,4161.797852 2318.197021,4156.609375
	C2313.958252,4155.207520 2308.948486,4156.111328 2304.291504,4156.005371
	C2295.018799,4155.794922 2285.620605,4156.980957 2276.730957,4152.933594
	C2274.998291,4152.145508 2272.764404,4151.957520 2270.837891,4152.173340
	C2252.735840,4154.198730 2235.340088,4148.206055 2217.407715,4147.535156
	C2203.681641,4147.021484 2190.163818,4142.175781 2176.404785,4140.999023
	C2159.147705,4139.523438 2142.504395,4134.706055 2125.525391,4132.740234
	C2107.600342,4130.665039 2090.420654,4125.793945 2073.040771,4121.991699
	C2034.893555,4113.646484 1997.203247,4103.222168 1959.258057,4093.925781
	C1956.384888,4093.221680 1952.970703,4094.726318 1947.357300,4094.885254
	C1938.960693,4081.766846 1933.014771,4068.968018 1928.824463,4056.119629
	C1937.089600,4056.990723 1943.764282,4057.280273 1950.082275,4058.932861
	C1995.520264,4070.821289 2040.715576,4083.656250 2086.673584,4093.491455
	C2089.901367,4094.182373 2093.051514,4095.572021 2096.295410,4095.794434
	C2116.146240,4097.153809 2134.881592,4104.648438 2154.844971,4105.847656
	C2167.279297,4106.594727 2179.520508,4110.159668 2191.925293,4111.917480
	C2204.338379,4113.676270 2216.536865,4117.495117 2229.302246,4116.247070
	C2246.905273,4123.717773 2266.158447,4117.612793 2284.330322,4123.316406
	C2294.034180,4126.362305 2305.474365,4123.536133 2316.089844,4124.114258
	C2327.254395,4124.721680 2338.369629,4126.229980 2350.250977,4127.901367
	C2352.145020,4129.879395 2353.294434,4131.301270 2354.443848,4132.722656
z"/>
<path fill="#051841" opacity="1.000000" stroke="none"
	d="
M1927.068970,4056.168945
	C1933.014771,4068.968018 1938.960693,4081.766846 1945.979492,4095.383545
	C1947.428711,4097.760742 1947.805054,4099.320801 1948.364746,4102.072266
	C1946.204346,4106.790039 1942.748413,4107.959473 1938.710205,4107.954102
	C1934.890015,4107.948730 1931.069946,4107.992676 1924.594360,4107.246094
	C1918.743774,4101.583984 1915.548584,4096.690430 1912.158203,4090.393066
	C1906.793945,4079.216064 1901.624878,4069.442383 1896.347534,4058.199219
	C1894.538086,4051.855469 1892.947266,4046.938965 1891.107422,4042.117920
	C1888.801392,4036.074951 1886.291138,4030.110352 1883.909668,4022.770508
	C1883.924927,4019.641846 1883.899658,4017.854248 1885.610107,4016.053711
	C1894.291138,4016.015869 1901.236206,4015.991211 1908.988647,4016.183594
	C1909.795898,4016.400635 1911.414062,4016.821289 1911.557007,4018.280762
	C1916.822998,4031.883301 1921.946045,4044.026123 1927.068970,4056.168945
z"/>
<path fill="#1148B0" opacity="1.000000" stroke="none"
	d="
M2476.208008,4156.246582
	C2470.924072,4167.231445 2465.640137,4178.216797 2460.073730,4190.605469
	C2454.546631,4200.121094 2449.377686,4208.284180 2444.012695,4216.316406
	C2442.289551,4218.895508 2440.048584,4221.128906 2437.864502,4223.735352
	C2427.578125,4218.892578 2425.949707,4207.991699 2418.224609,4200.616211
	C2414.500244,4193.930664 2411.930908,4187.894043 2409.109131,4181.977539
	C2404.835938,4173.018066 2400.386963,4164.142578 2396.992676,4152.568359
	C2420.425049,4145.896973 2443.050293,4148.672363 2465.592773,4148.288574
	C2470.738770,4148.201172 2473.971924,4151.844727 2476.208008,4156.246582
z"/>
<path fill="#8590A2" opacity="1.000000" stroke="none"
	d="
M1999.431152,4218.799805
	C1982.312012,4221.187988 1966.034302,4214.767578 1949.672119,4210.283691
	C1915.991821,4201.055176 1882.715820,4190.315430 1849.418091,4179.742188
	C1833.712036,4174.754883 1818.440674,4168.405273 1802.765991,4163.308594
	C1796.625244,4161.311523 1789.918701,4161.054199 1781.822388,4160.015625
	C1778.822266,4151.773926 1777.469604,4143.521973 1777.776367,4133.679688
	C1795.079102,4137.419434 1810.759277,4142.643555 1826.358765,4148.099121
	C1870.782837,4163.635742 1915.757446,4177.417969 1961.031982,4190.217285
	C1965.999512,4191.622070 1971.488159,4191.183105 1976.735229,4191.599121
	C1976.735229,4191.599121 1978.272339,4191.822266 1979.037842,4191.948242
	C1986.194824,4200.568359 1992.586182,4209.062500 1999.431152,4218.799805
z"/>
<path fill="#778296" opacity="1.000000" stroke="none"
	d="
M1976.202881,4190.344238
	C1971.488159,4191.183105 1965.999512,4191.622070 1961.031982,4190.217285
	C1915.757446,4177.417969 1870.782837,4163.635742 1826.358765,4148.099121
	C1810.759277,4142.643555 1795.079102,4137.419434 1777.908203,4132.086914
	C1775.961548,4130.229980 1775.542358,4128.376465 1774.957275,4123.927734
	C1774.178101,4115.483887 1772.300781,4109.586426 1777.030518,4103.933105
	C1779.925415,4104.103027 1781.354370,4103.937012 1782.557007,4104.382324
	C1803.021973,4111.962891 1823.348755,4119.846191 1844.206299,4126.421387
	C1870.761597,4134.792969 1896.797119,4144.800781 1923.256470,4153.495117
	C1932.601440,4156.565918 1942.533936,4157.849121 1952.198242,4159.948730
	C1960.022461,4169.662109 1967.846436,4179.375488 1976.202881,4190.344238
z"/>
<path fill="#6D778A" opacity="1.000000" stroke="none"
	d="
M1952.122192,4158.546387
	C1942.533936,4157.849121 1932.601440,4156.565918 1923.256470,4153.495117
	C1896.797119,4144.800781 1870.761597,4134.792969 1844.206299,4126.421387
	C1823.348755,4119.846191 1803.021973,4111.962891 1782.557007,4104.382324
	C1781.354370,4103.937012 1779.925415,4104.103027 1776.897095,4102.199707
	C1775.504883,4092.292236 1775.817261,4084.169678 1777.734375,4076.035156
	C1783.839844,4076.806641 1788.577759,4076.943848 1792.798950,4078.490723
	C1808.229126,4084.144531 1823.336914,4090.697998 1838.844727,4096.114746
	C1863.083008,4104.580566 1887.499390,4112.549316 1911.951416,4120.381348
	C1918.132324,4122.361328 1924.734619,4123.025391 1931.143311,4124.293945
	C1938.110962,4135.244141 1945.078491,4146.193848 1952.122192,4158.546387
z"/>
<path fill="#5B6477" opacity="1.000000" stroke="none"
	d="
M1930.841919,4123.039551
	C1924.734619,4123.025391 1918.132324,4122.361328 1911.951416,4120.381348
	C1887.499390,4112.549316 1863.083008,4104.580566 1838.844727,4096.114746
	C1823.336914,4090.697998 1808.229126,4084.144531 1792.798950,4078.490723
	C1788.577759,4076.943848 1783.839844,4076.806641 1777.596924,4074.416504
	C1776.093872,4064.364990 1775.587402,4055.789795 1781.602661,4048.228027
	C1806.454346,4057.511475 1829.772217,4066.918457 1853.314819,4075.724854
	C1866.333252,4080.594482 1879.851440,4084.122314 1892.900513,4088.918457
	C1899.330688,4091.281982 1905.642212,4092.359375 1912.353394,4091.796387
	C1915.548584,4096.690430 1918.743774,4101.583984 1922.927612,4107.253418
	C1926.124268,4112.614258 1928.332397,4117.199707 1930.841919,4123.039551
z"/>
<path fill="#061232" opacity="1.000000" stroke="none"
	d="
M2943.984863,4068.289307
	C2944.710938,4062.901123 2946.128418,4058.781982 2948.555176,4052.251953
	C2954.178223,4037.243652 2958.791992,4024.646240 2964.162598,4010.893066
	C2967.336670,4003.822021 2969.754150,3997.906738 2973.903809,3991.993652
	C2983.718750,3991.988037 2991.802246,3991.979980 2999.763672,3993.487305
	C2998.311523,4001.917725 2996.981445,4008.833252 2994.596436,4016.659668
	C2989.028809,4029.047119 2984.515625,4040.523682 2980.002441,4052.000000
	C2976.735107,4058.145996 2973.468262,4064.292236 2969.227539,4071.273926
	C2964.005615,4072.791260 2959.617188,4073.016602 2955.544434,4074.269043
	C2950.251953,4075.897217 2947.316895,4073.377441 2943.984863,4068.289307
z"/>
<path fill="#10409F" opacity="1.000000" stroke="none"
	d="
M2477.249023,4155.383789
	C2473.971924,4151.844727 2470.738770,4148.201172 2465.592773,4148.288574
	C2443.050293,4148.672363 2420.425049,4145.896973 2396.770996,4151.149414
	C2391.451660,4146.009277 2387.333984,4139.624023 2381.725098,4131.151367
	C2377.494629,4122.041992 2374.754883,4115.020996 2373.546387,4107.328125
	C2377.573730,4105.834961 2380.066895,4104.309570 2382.567383,4104.297363
	C2419.003174,4104.116211 2455.440674,4104.042480 2491.875244,4104.297852
	C2494.726807,4104.317871 2497.559814,4106.980469 2500.194336,4109.750000
	C2498.908447,4117.238770 2491.606445,4120.699707 2492.747070,4127.813965
	C2487.927979,4136.716309 2483.108887,4145.619141 2477.249023,4155.383789
z"/>
<path fill="#051029" opacity="1.000000" stroke="none"
	d="
M2372.015381,4107.999512
	C2374.754883,4115.020996 2377.494629,4122.041992 2380.670410,4130.430176
	C2373.483154,4131.969238 2365.859619,4132.141602 2356.340088,4132.518555
	C2353.294434,4131.301270 2352.145020,4129.879395 2349.954590,4126.499023
	C2343.268799,4113.693848 2337.624512,4102.848145 2331.880859,4090.587891
	C2326.791748,4079.329346 2321.801758,4069.484863 2316.606934,4058.244629
	C2313.815918,4049.859131 2311.229736,4042.869629 2310.354492,4035.906006
	C2320.068359,4035.953125 2328.072021,4035.974365 2337.071045,4036.696289
	C2340.107910,4040.949707 2342.149414,4044.502930 2344.361084,4049.482178
	C2353.692627,4069.938965 2362.854004,4088.969238 2372.015381,4107.999512
z"/>
<path fill="#051029" opacity="1.000000" stroke="none"
	d="
M2494.268066,4127.863770
	C2491.606445,4120.699707 2498.908447,4117.238770 2501.222168,4108.826172
	C2511.083252,4087.048828 2519.709473,4067.530029 2529.325195,4047.272949
	C2533.308350,4041.679199 2536.302002,4036.823486 2540.871826,4032.122559
	C2549.687744,4033.531982 2556.927490,4034.786621 2564.071289,4037.494629
	C2560.862305,4047.093994 2557.749268,4055.239502 2553.767578,4064.391846
	C2548.926270,4074.303955 2544.953369,4083.209473 2540.147949,4093.270996
	C2534.866211,4103.999023 2530.417480,4113.571777 2525.968750,4123.144531
	C2524.304443,4125.524902 2522.640381,4127.905762 2520.243652,4131.097656
	C2511.603516,4130.577637 2503.696289,4129.245605 2494.268066,4127.863770
z"/>
<path fill="#96A1B5" opacity="1.000000" stroke="none"
	d="
M1659.982422,4133.026855
	C1641.539307,4123.562988 1623.623901,4115.251953 1605.876221,4106.555664
	C1577.345459,4092.575195 1550.259399,4075.666016 1521.871216,4061.367676
	C1502.256470,4051.488281 1483.891724,4039.695557 1465.225952,4028.345947
	C1457.552856,4023.680420 1448.063232,4020.751465 1444.135498,4009.776367
	C1449.666138,4007.876709 1455.369385,4007.341797 1463.623291,4006.688721
	C1467.501343,4006.415283 1468.555908,4005.795166 1469.337891,4004.710449
	C1473.185791,4004.884766 1477.033813,4005.059082 1482.415161,4006.839844
	C1485.658203,4011.100342 1486.764771,4014.687012 1489.180664,4016.249268
	C1500.315063,4023.450195 1511.724854,4030.241699 1523.205566,4036.886475
	C1536.996338,4044.868164 1550.736328,4052.985352 1564.894165,4060.274902
	C1592.711914,4074.598389 1620.802734,4088.391113 1648.781860,4102.400879
	C1655.329956,4105.679688 1661.879150,4108.956543 1668.436646,4112.216797
	C1672.974731,4114.473145 1675.689209,4117.934570 1675.791016,4123.161621
	C1670.925049,4126.368652 1666.059204,4129.575684 1659.982422,4133.026855
z"/>
<path fill="#8590A2" opacity="1.000000" stroke="none"
	d="
M1677.069092,4122.812500
	C1675.689209,4117.934570 1672.974731,4114.473145 1668.436646,4112.216797
	C1661.879150,4108.956543 1655.329956,4105.679688 1648.781860,4102.400879
	C1620.802734,4088.391113 1592.711914,4074.598389 1564.894165,4060.274902
	C1550.736328,4052.985352 1536.996338,4044.868164 1523.205566,4036.886475
	C1511.724854,4030.241699 1500.315063,4023.450195 1489.180664,4016.249268
	C1486.764771,4014.687012 1485.658203,4011.100342 1483.829224,4007.130127
	C1494.441406,4004.892578 1505.172974,4003.971436 1518.312012,4004.334473
	C1524.645996,4012.251953 1531.072021,4015.656738 1537.675537,4018.904053
	C1544.815552,4022.415527 1551.990479,4025.884766 1558.938110,4029.753174
	C1578.585938,4040.692871 1597.775635,4052.514160 1617.797607,4062.708008
	C1641.984985,4075.023438 1666.813477,4086.084717 1691.439209,4097.527832
	C1695.000854,4099.183105 1698.978760,4099.942871 1702.764160,4101.116699
	C1694.625122,4108.231934 1686.486206,4115.347656 1677.069092,4122.812500
z"/>
<path fill="#7D889C" opacity="1.000000" stroke="none"
	d="
M1703.761108,4100.843750
	C1698.978760,4099.942871 1695.000854,4099.183105 1691.439209,4097.527832
	C1666.813477,4086.084717 1641.984985,4075.023438 1617.797607,4062.708008
	C1597.775635,4052.514160 1578.585938,4040.692871 1558.938110,4029.753174
	C1551.990479,4025.884766 1544.815552,4022.415527 1537.675537,4018.904053
	C1531.072021,4015.656738 1524.645996,4012.251953 1520.090332,4004.281250
	C1519.461182,4002.943848 1519.704224,4001.480469 1519.870361,4000.757812
	C1532.242310,3998.728271 1544.448120,3997.421631 1558.470459,3997.554199
	C1562.449219,4006.859131 1568.795898,4010.385742 1575.416504,4013.690918
	C1614.557617,4033.231445 1653.626953,4052.917236 1692.857666,4072.276367
	C1702.231689,4076.901855 1712.127319,4080.470459 1721.210327,4085.688965
	C1717.769165,4089.932129 1714.900635,4093.011963 1712.031982,4096.091797
	C1709.607422,4097.584473 1707.182739,4099.077148 1703.761108,4100.843750
z"/>
<path fill="#0A255B" opacity="1.000000" stroke="none"
	d="
M1712.671875,4097.302734
	C1714.900635,4093.011963 1717.769165,4089.932129 1722.369629,4085.372559
	C1731.801636,4079.385254 1736.182617,4071.999268 1741.806641,4064.036377
	C1748.164917,4057.587402 1754.813232,4052.845459 1757.676514,4043.763184
	C1762.610229,4039.660400 1766.155762,4036.014160 1770.208008,4033.064209
	C1773.340088,4030.784668 1778.501099,4032.948730 1779.265015,4036.762939
	C1780.004272,4040.454102 1779.897705,4044.314453 1780.162598,4048.100586
	C1775.587402,4055.789795 1776.093872,4064.364990 1775.992188,4074.428711
	C1775.817261,4084.169678 1775.504883,4092.292236 1775.325928,4102.147949
	C1772.300781,4109.586426 1774.178101,4115.483887 1774.483398,4122.583984
	C1770.891113,4123.708984 1767.381348,4124.296875 1764.359985,4123.341309
	C1746.148804,4117.578613 1728.585205,4110.366699 1712.671875,4097.302734
z"/>
<path fill="#7897D1" opacity="1.000000" stroke="none"
	d="
M2516.082764,731.944458
	C2513.634766,726.169739 2511.187012,720.394958 2508.557861,713.277466
	C2522.214355,712.488037 2536.117676,710.807678 2549.804443,715.302185
	C2555.234619,717.085449 2561.655029,715.834473 2567.624023,715.999512
	C2580.153320,716.345947 2592.866943,714.492004 2605.020508,719.382385
	C2606.783936,720.092041 2608.958008,719.971619 2610.935791,719.930664
	C2632.211914,719.490356 2652.776611,725.015564 2673.692383,727.265259
	C2722.978271,732.566650 2771.198730,743.597229 2819.689453,752.989197
	C2848.142334,758.500183 2875.860107,767.815063 2903.896973,775.460327
	C2907.089600,776.330872 2910.183105,777.561096 2913.368408,778.462524
	C2918.036133,779.783508 2920.828125,777.068909 2924.931885,773.216431
	C2932.077393,782.309570 2937.505127,791.814331 2943.127686,802.512878
	C2943.813721,806.075134 2944.304932,808.443665 2943.872559,812.050781
	C2939.845703,813.754883 2936.469482,815.253479 2933.682373,814.518188
	C2915.758789,809.789124 2898.024414,804.346863 2880.113281,799.567749
	C2855.171387,792.912537 2830.360596,785.430786 2805.058838,780.562744
	C2783.676758,776.448792 2762.372803,771.842773 2740.908447,768.132996
	C2731.808594,766.560120 2722.657471,765.280090 2713.520508,763.928040
	C2701.762207,762.188049 2689.973877,760.639526 2678.236816,758.769409
	C2665.210205,756.693848 2652.271729,752.871033 2639.213867,752.475037
	C2620.628662,751.911560 2602.607178,745.579773 2583.825684,747.855774
	C2580.642090,748.241638 2577.277100,747.116394 2573.994141,746.703735
	C2566.799316,745.799377 2559.625000,744.473511 2552.402588,744.113037
	C2543.107178,743.649109 2533.772949,743.962402 2523.655029,742.998901
	C2520.597412,738.686096 2518.340088,735.315308 2516.082764,731.944458
z"/>
<path fill="#0A204E" opacity="1.000000" stroke="none"
	d="
M2942.932861,801.319092
	C2937.505127,791.814331 2932.077393,782.309570 2925.581055,771.934082
	C2917.888428,759.037537 2911.264404,747.011597 2904.238770,733.678101
	C2904.539551,727.522034 2906.746826,724.194824 2912.171387,724.101013
	C2916.547607,724.025391 2920.924072,723.938660 2927.023438,723.753113
	C2934.837402,732.289124 2940.928467,740.928833 2947.787109,750.693726
	C2954.369629,763.290771 2960.184570,774.762573 2967.049316,787.081299
	C2969.033691,791.164124 2969.968262,794.400024 2969.724121,798.801636
	C2964.358398,798.845276 2960.201660,797.591675 2955.977539,796.634216
	C2950.708252,795.440002 2946.052734,796.341248 2942.932861,801.319092
z"/>
<path fill="#7998D3" opacity="1.000000" stroke="none"
	d="
M2362.647949,711.889160
	C2359.520508,722.145691 2354.788086,732.182800 2347.473633,742.922302
	C2337.973877,741.265137 2331.369629,739.036255 2323.642334,741.818848
	C2318.207764,743.775879 2311.931152,743.526245 2306.008545,743.960144
	C2300.043945,744.397156 2293.728027,743.315002 2288.131592,744.898010
	C2269.429932,750.188110 2249.946045,747.548462 2231.050781,751.640930
	C2216.286621,754.838562 2200.715088,754.115723 2185.746094,756.603027
	C2161.649414,760.606995 2137.571045,764.812378 2113.800781,770.688171
	C2093.903320,775.606567 2073.823486,779.905151 2053.669189,783.639771
	C2022.366577,789.440247 1991.833862,798.144226 1961.407959,807.228455
	C1950.441284,810.502808 1939.589844,812.887939 1928.141113,811.983765
	C1933.538574,800.435181 1938.936035,788.886658 1945.300903,776.504028
	C1957.885986,777.435486 1968.706177,773.349426 1979.299072,770.041626
	C2019.131348,757.603149 2059.933594,749.074890 2100.720703,741.034363
	C2129.804932,735.300964 2158.942139,729.435791 2188.250732,724.805847
	C2203.874268,722.337952 2219.769531,721.619385 2235.525635,719.953003
	C2246.670410,718.774170 2257.756836,716.857117 2268.925293,716.136841
	C2280.142090,715.413513 2291.367676,716.408264 2302.408691,712.587891
	C2307.187988,710.934326 2312.961914,712.323914 2318.256836,711.947571
	C2324.168213,711.527405 2330.363770,711.619385 2335.871582,709.790100
	C2344.790527,706.827698 2352.849121,708.512512 2362.647949,711.889160
z"/>
<path fill="#1148B0" opacity="1.000000" stroke="none"
	d="
M2458.386719,675.778015
	C2464.540283,687.356384 2469.553955,698.164490 2474.595215,708.959656
	C2477.684326,715.574158 2480.815674,722.168823 2482.985596,731.423279
	C2480.819824,734.581665 2479.599365,735.524109 2478.372559,735.532715
	C2451.065918,735.722595 2423.757568,735.933777 2396.452393,735.734009
	C2393.551758,735.712769 2390.669189,733.170349 2387.778320,731.797607
	C2394.638428,716.808777 2401.498291,701.819946 2408.885742,685.428101
	C2413.018066,678.572449 2416.724121,673.183167 2420.199707,667.649231
	C2423.718262,662.047119 2426.920654,656.246277 2430.444336,650.647705
	C2431.767334,648.545776 2433.605469,646.767883 2436.141846,643.721008
	C2439.020996,646.638062 2441.664307,648.525330 2443.250732,651.071228
	C2448.137207,658.912964 2452.619629,667.006531 2458.386719,675.778015
z"/>
<path fill="#808B9E" opacity="1.000000" stroke="none"
	d="
M1774.068604,748.136475
	C1774.981689,739.594971 1775.894653,731.053406 1779.179932,721.081421
	C1807.177368,710.773132 1832.810669,701.918701 1858.425415,693.011230
	C1887.234985,682.992737 1916.757080,675.355896 1945.916992,666.525513
	C1960.115723,662.225708 1973.936401,658.600159 1988.788452,660.381958
	C1979.327637,672.678589 1969.866821,684.975281 1958.284058,698.585815
	C1952.889160,700.287781 1949.489746,700.236145 1946.363770,701.135254
	C1926.172485,706.943115 1905.920654,712.585022 1885.924927,719.016113
	C1867.731201,724.867676 1849.820801,731.605042 1831.815674,738.036377
	C1815.677002,743.801025 1799.607544,749.761047 1783.433472,755.422546
	C1781.019409,756.267517 1778.198242,755.949097 1775.431885,754.805298
	C1774.888306,751.673279 1774.478394,749.904846 1774.068604,748.136475
z"/>
<path fill="#939EB2" opacity="1.000000" stroke="none"
	d="
M1989.878784,659.665771
	C1973.936401,658.600159 1960.115723,662.225708 1945.916992,666.525513
	C1916.757080,675.355896 1887.234985,682.992737 1858.425415,693.011230
	C1832.810669,701.918701 1807.177368,710.773132 1779.885742,719.667480
	C1779.980225,708.768921 1781.741211,697.853821 1784.109375,685.425781
	C1798.523193,686.340942 1810.453003,680.311768 1822.885986,675.888306
	C1845.175293,667.958191 1867.603394,660.380981 1890.167847,653.273376
	C1908.325928,647.553589 1926.740112,642.633240 1945.096802,637.561279
	C1965.397095,631.952332 1985.709473,626.366028 2006.147949,621.299805
	C2009.576782,620.449951 2013.671753,622.288086 2018.831055,623.494995
	C2020.203003,624.105896 2020.127930,626.044434 2020.070435,627.012451
	C2010.331665,638.303528 2000.650391,648.626526 1989.878784,659.665771
z"/>
<path fill="#6D778A" opacity="1.000000" stroke="none"
	d="
M1775.565430,756.168884
	C1778.198242,755.949097 1781.019409,756.267517 1783.433472,755.422546
	C1799.607544,749.761047 1815.677002,743.801025 1831.815674,738.036377
	C1849.820801,731.605042 1867.731201,724.867676 1885.924927,719.016113
	C1905.920654,712.585022 1926.172485,706.943115 1946.363770,701.135254
	C1949.489746,700.236145 1952.889160,700.287781 1957.745605,699.833008
	C1953.168579,709.642944 1947.007935,719.519592 1940.456299,730.694031
	C1937.597290,735.238220 1935.129150,738.484619 1930.440674,742.845947
	C1907.719849,748.844604 1888.079834,756.346436 1868.155640,763.070740
	C1846.929443,770.234619 1825.734375,777.405457 1804.832520,785.467407
	C1795.616333,789.022095 1786.461304,793.120422 1775.972656,790.159546
	C1775.718750,777.639282 1775.642090,766.904114 1775.565430,756.168884
z"/>
<path fill="#6E8BC2" opacity="1.000000" stroke="none"
	d="
M1927.240234,813.020874
	C1939.589844,812.887939 1950.441284,810.502808 1961.407959,807.228455
	C1991.833862,798.144226 2022.366577,789.440247 2053.669189,783.639771
	C2073.823486,779.905151 2093.903320,775.606567 2113.800781,770.688171
	C2137.571045,764.812378 2161.649414,760.606995 2185.746094,756.603027
	C2200.715088,754.115723 2216.286621,754.838562 2231.050781,751.640930
	C2249.946045,747.548462 2269.429932,750.188110 2288.131592,744.898010
	C2293.728027,743.315002 2300.043945,744.397156 2306.008545,743.960144
	C2311.931152,743.526245 2318.207764,743.775879 2323.642334,741.818848
	C2331.369629,739.036255 2337.973877,741.265137 2346.462891,743.820679
	C2346.512451,748.309753 2344.990723,752.602844 2342.394531,759.117310
	C2338.409912,766.310852 2335.499756,771.282959 2330.788574,776.176392
	C2306.633545,778.163330 2284.339111,781.131470 2261.803467,780.453796
	C2260.527344,780.415405 2259.246582,781.123413 2257.943115,781.309814
	C2251.433350,782.240601 2244.916504,783.122986 2238.399902,784.003784
	C2224.693604,785.856445 2210.949219,787.466675 2197.289795,789.615723
	C2186.236328,791.354675 2175.360352,794.841858 2164.271484,795.604065
	C2141.062256,797.199341 2118.727783,803.022583 2096.241211,808.067383
	C2051.142822,818.185120 2006.040771,828.183472 1961.913818,842.359497
	C1945.832886,847.525574 1929.520630,854.772278 1911.692871,850.568359
	C1912.970337,844.848999 1914.203003,840.500122 1915.435547,836.151245
	C1919.070190,828.786804 1922.704712,821.422363 1927.240234,813.020874
z"/>
<path fill="#060D1F" opacity="1.000000" stroke="none"
	d="
M1913.870605,836.120117
	C1914.203003,840.500122 1912.970337,844.848999 1910.654053,851.660156
	C1906.838013,864.328247 1904.105469,874.533997 1900.816284,885.914307
	C1896.851318,897.471191 1893.863770,907.931580 1892.697632,920.696228
	C1925.420654,914.289001 1956.557373,909.909607 1989.425537,907.661072
	C1993.977661,908.275818 1997.025391,908.579590 1999.781128,910.197632
	C1995.761108,918.288879 1988.290527,919.554443 1982.285156,922.796387
	C1976.769531,925.773804 1975.768188,930.119019 1974.398682,935.958435
	C1963.515015,937.432190 1954.287720,938.435913 1945.065308,939.481140
	C1859.031372,949.231262 1782.643555,981.572083 1716.237061,1037.251709
	C1707.125610,1044.891479 1698.112549,1052.648438 1687.633545,1059.801636
	C1681.390381,1056.294922 1676.543701,1055.540283 1671.269165,1058.369385
	C1664.859375,1061.807617 1658.321655,1065.111084 1651.145386,1062.108154
	C1660.127930,1052.424194 1668.567383,1043.990723 1677.039062,1035.589478
	C1682.199585,1030.471802 1687.409424,1025.403809 1693.808838,1019.757446
	C1709.987427,1008.361694 1724.999390,997.583313 1739.882080,986.629456
	C1742.809204,984.475159 1745.237671,981.643433 1748.299683,978.741760
	C1736.068848,966.347839 1720.571777,961.194336 1708.122314,951.585388
	C1713.101807,945.710693 1718.081299,939.835938 1725.011963,932.920105
	C1730.488281,933.166382 1734.044189,934.376770 1737.530151,935.762756
	C1741.020264,937.150330 1744.440918,938.713257 1748.696045,941.287109
	C1756.254028,947.556824 1761.932617,953.993958 1770.300415,957.241333
	C1776.939941,959.817993 1782.875244,960.654114 1789.286987,957.264282
	C1809.206543,946.732849 1829.751099,937.735168 1851.470093,931.471619
	C1858.266602,929.511536 1862.631836,924.605103 1863.862183,917.358459
	C1865.290649,908.943848 1866.704712,900.526733 1869.186035,891.096497
	C1873.553955,877.418152 1876.861206,864.753906 1880.679443,850.976929
	C1883.371948,846.502502 1885.553467,843.140869 1887.734985,839.779236
	C1895.925171,838.549133 1904.115234,837.319092 1913.870605,836.120117
z"/>
<path fill="#384052" opacity="1.000000" stroke="none"
	d="
M1887.816162,838.274048
	C1885.553467,843.140869 1883.371948,846.502502 1879.100586,850.966003
	C1865.057495,855.872864 1852.885864,859.110901 1841.199097,863.608398
	C1820.818848,871.451416 1800.623413,879.805603 1780.563477,888.440430
	C1761.697144,896.561279 1743.094604,905.296570 1724.402100,913.818787
	C1720.074097,915.792114 1716.089478,918.199585 1715.919189,923.780396
	C1703.095215,918.020203 1690.271362,912.260010 1676.530762,905.471436
	C1704.799438,890.466187 1733.730103,875.919678 1763.260864,862.714905
	C1782.520874,854.102844 1802.662231,847.466003 1822.390015,839.894958
	C1837.139038,834.234741 1851.784668,828.295593 1866.621094,822.876709
	C1874.012695,820.177002 1881.729004,818.366089 1890.906616,816.254761
	C1890.975708,823.160522 1889.436523,829.964722 1887.816162,838.274048
z"/>
<path fill="#5B6477" opacity="1.000000" stroke="none"
	d="
M1776.149902,791.944580
	C1786.461304,793.120422 1795.616333,789.022095 1804.832520,785.467407
	C1825.734375,777.405457 1846.929443,770.234619 1868.155640,763.070740
	C1888.079834,756.346436 1907.719849,748.844604 1929.734863,743.868652
	C1924.881470,754.871582 1918.513916,765.966980 1911.750000,778.403076
	C1907.383545,780.076172 1902.885620,779.318481 1899.539429,780.939087
	C1888.076050,786.490845 1875.506958,788.350037 1863.718872,792.649292
	C1840.727417,801.034546 1817.903442,809.879089 1794.909058,818.255981
	C1791.278442,819.578674 1787.118896,819.449524 1781.015381,818.529785
	C1777.934448,808.693481 1777.042236,800.319031 1776.149902,791.944580
z"/>
<path fill="#103F9A" opacity="1.000000" stroke="none"
	d="
M2386.723877,732.643188
	C2390.669189,733.170349 2393.551758,735.712769 2396.452393,735.734009
	C2423.757568,735.933777 2451.065918,735.722595 2478.372559,735.532715
	C2479.599365,735.524109 2480.819824,734.581665 2483.254883,732.832397
	C2486.089600,732.797913 2487.712891,734.005188 2490.637695,737.097778
	C2498.780273,755.181763 2505.621094,771.380432 2511.256592,788.819458
	C2507.501709,790.689148 2504.954102,791.859314 2502.402588,791.867126
	C2460.410400,791.995239 2418.416992,792.137451 2376.427246,791.804443
	C2370.669678,791.758789 2364.932129,789.184448 2359.396484,786.362244
	C2362.537842,778.093689 2365.468018,771.243713 2368.398438,764.393738
	C2374.155273,754.092102 2379.912354,743.790405 2386.723877,732.643188
z"/>
<path fill="#070E22" opacity="1.000000" stroke="none"
	d="
M2367.292480,763.189209
	C2365.468018,771.243713 2362.537842,778.093689 2358.309326,787.215088
	C2350.419678,795.876953 2351.907227,805.471497 2347.609375,812.948059
	C2343.063232,820.857422 2340.000977,829.621277 2336.329834,838.029114
	C2336.078125,838.605225 2336.158203,839.326111 2335.526855,840.939331
	C2332.980713,843.985901 2330.991943,846.072998 2327.530762,847.621277
	C2319.315918,842.949158 2311.824707,844.173157 2304.326172,843.046875
	C2304.011963,841.333801 2303.890381,840.648010 2304.563965,838.810669
	C2310.165527,826.427551 2314.972412,815.195984 2320.610352,802.852783
	C2325.157227,793.245728 2328.873535,784.750427 2332.589600,776.255127
	C2335.499756,771.282959 2338.409912,766.310852 2342.224609,760.490601
	C2350.814697,760.423340 2358.500488,761.204041 2367.292480,763.189209
z"/>
<path fill="#051029" opacity="1.000000" stroke="none"
	d="
M2512.461914,787.579102
	C2505.621094,771.380432 2498.780273,755.181763 2491.543213,737.568237
	C2498.423584,734.882996 2505.700439,733.612549 2514.529785,732.143311
	C2518.340088,735.315308 2520.597412,738.686096 2523.823975,744.362915
	C2529.931641,756.436035 2535.069824,766.203064 2540.342285,777.250793
	C2542.940918,783.023804 2545.405029,787.516113 2547.986816,793.316040
	C2550.531250,799.155518 2552.957764,803.687317 2555.548828,809.631958
	C2558.318115,818.054138 2560.923096,825.063477 2561.910156,832.059448
	C2556.435059,832.064026 2552.578125,832.120483 2548.721436,832.090576
	C2543.253418,832.048096 2540.502686,834.918396 2538.913818,839.669434
	C2536.127197,837.966919 2534.318359,836.754944 2532.400391,834.028687
	C2528.518799,816.283875 2522.069092,801.234863 2512.461914,787.579102
z"/>
<path fill="#0A255B" opacity="1.000000" stroke="none"
	d="
M1775.972656,790.159546
	C1777.042236,800.319031 1777.934448,808.693481 1779.421143,818.508118
	C1779.974365,821.831238 1780.074097,823.729675 1779.868408,825.594482
	C1778.635986,836.766724 1775.445801,838.096008 1765.535889,831.582336
	C1764.494995,830.898132 1763.617676,829.965149 1761.440674,828.430908
	C1754.485840,820.016968 1748.754761,812.319824 1741.907715,803.876587
	C1736.953369,792.813232 1727.378540,787.233948 1720.288940,777.964844
	C1720.281372,772.469971 1719.104858,767.163086 1723.926758,764.579956
	C1738.774902,756.625427 1753.647461,748.572571 1772.597778,748.108276
	C1774.478394,749.904846 1774.888306,751.673279 1775.431885,754.805298
	C1775.642090,766.904114 1775.718750,777.639282 1775.972656,790.159546
z"/>
<path fill="#7897D1" opacity="1.000000" stroke="none"
	d="
M1607.976440,3955.840820
	C1607.739746,3951.673096 1606.452515,3947.999268 1602.751709,3945.655029
	C1596.601685,3941.760254 1590.433105,3937.891602 1584.204102,3934.124756
	C1560.427368,3919.746094 1536.539429,3905.548828 1512.857544,3891.015625
	C1495.971436,3880.652588 1478.607544,3870.851318 1462.785522,3859.022461
	C1440.031250,3842.010986 1415.898315,3826.912354 1394.131470,3808.504150
	C1380.037964,3796.585938 1364.665649,3786.190674 1350.060913,3774.862305
	C1341.716675,3768.390381 1333.640747,3761.555664 1325.660156,3754.635010
	C1311.672485,3742.504883 1297.799805,3730.240234 1283.991821,3717.905518
	C1280.022461,3714.360352 1276.340942,3710.442627 1276.848877,3702.419434
	C1289.092285,3696.761475 1300.310181,3693.358887 1311.982178,3691.393311
	C1314.499023,3695.425293 1316.337524,3698.244629 1318.663574,3700.577148
	C1328.509399,3710.450928 1338.881348,3719.646240 1349.733765,3728.509277
	C1364.098999,3740.240723 1378.157349,3752.340088 1393.082642,3763.400391
	C1404.792725,3772.077881 1416.881104,3780.379883 1427.743774,3790.038330
	C1452.680908,3812.211426 1481.300537,3829.231445 1508.716431,3847.742188
	C1542.232544,3870.371582 1577.744385,3890.061768 1612.561523,3910.739258
	C1624.491211,3917.824463 1636.874512,3924.157227 1649.164429,3930.616943
	C1653.004395,3932.635254 1655.652222,3935.131348 1654.695679,3940.431396
	C1638.301636,3946.105713 1623.139038,3950.973389 1607.976440,3955.840820
z"/>
<path fill="#081636" opacity="1.000000" stroke="none"
	d="
M1311.528076,3689.956543
	C1300.310181,3693.358887 1289.092285,3696.761475 1276.706665,3700.883789
	C1267.415283,3703.708252 1259.291504,3705.812988 1249.607544,3707.976562
	C1245.357422,3701.092529 1242.667358,3694.150146 1240.935791,3685.188232
	C1243.919434,3682.054199 1245.944458,3680.939453 1249.508789,3679.923340
	C1266.096680,3674.713623 1281.145142,3669.405273 1297.682861,3664.164795
	C1310.097656,3660.079102 1321.023071,3655.925781 1333.413452,3651.784180
	C1343.231445,3649.211182 1351.584473,3646.626221 1359.982422,3645.498291
	C1361.167847,3649.818359 1361.564941,3653.490723 1363.609741,3655.368896
	C1367.408203,3658.858154 1368.035522,3662.922119 1367.141846,3668.199219
	C1362.661987,3670.843994 1359.169678,3672.763916 1354.164062,3674.969238
	C1338.943237,3680.155029 1325.235718,3685.055664 1311.528076,3689.956543
z"/>
<path fill="#09183A" opacity="1.000000" stroke="none"
	d="
M1607.221191,3956.396729
	C1623.139038,3950.973389 1638.301636,3946.105713 1656.142090,3940.416016
	C1671.217651,3934.456299 1683.615356,3929.318848 1696.151123,3925.503418
	C1698.888672,3934.894043 1705.098755,3939.665527 1711.890137,3944.855957
	C1711.892212,3945.804199 1711.929810,3947.697998 1710.463135,3947.937500
	C1696.354492,3952.724609 1683.446533,3956.649658 1670.530884,3964.176270
	C1658.022461,3968.366211 1646.983154,3972.373779 1634.438232,3976.479004
	C1626.018066,3978.022705 1619.103638,3979.468018 1612.189209,3980.913574
	C1609.497803,3974.715088 1606.806396,3968.516602 1603.895264,3960.851074
	C1604.342041,3958.270996 1605.272217,3957.460449 1607.221191,3956.396729
z"/>
<path fill="#7998D3" opacity="1.000000" stroke="none"
	d="
M917.463501,3264.155762
	C918.654114,3254.329834 921.243469,3244.651123 924.543579,3232.380127
	C927.240417,3225.995605 929.226501,3222.203613 931.930054,3219.715820
	C939.877136,3225.189697 943.855103,3231.880127 947.709290,3239.040527
	C958.727722,3259.511230 970.102600,3279.795166 981.637512,3299.980957
	C995.474365,3324.195068 1010.941589,3347.359619 1026.879517,3370.251465
	C1041.276367,3390.929932 1053.992676,3412.803467 1068.828613,3433.144775
	C1087.957764,3459.372559 1107.639771,3485.296875 1128.667236,3510.004395
	C1141.996948,3525.667236 1155.737549,3540.927490 1167.860962,3557.578613
	C1170.681152,3561.452393 1174.621582,3563.990967 1179.671753,3565.482666
	C1176.132568,3576.706543 1172.645874,3586.470459 1169.159180,3596.234619
	C1159.927856,3596.187744 1155.188843,3589.372070 1150.026123,3583.351562
	C1144.860840,3577.328613 1140.095337,3570.961670 1134.904297,3564.962158
	C1124.059937,3552.428955 1112.668213,3540.349854 1102.204102,3527.511719
	C1088.409790,3510.587158 1074.855469,3493.430908 1061.967285,3475.811279
	C1030.648071,3432.995850 999.690186,3389.941162 972.006348,3344.588623
	C958.168274,3321.918945 944.056885,3299.454590 931.847351,3275.846680
	C929.036682,3270.412109 925.239319,3265.843994 917.463501,3264.155762
z"/>
<path fill="#081636" opacity="1.000000" stroke="none"
	d="
M1169.001221,3597.796387
	C1172.645874,3586.470459 1176.132568,3576.706543 1180.534180,3564.297852
	C1185.010010,3550.432129 1188.570679,3539.211426 1192.996826,3526.857910
	C1197.215942,3515.812012 1200.569336,3505.898926 1204.785522,3495.745850
	C1205.648315,3495.505859 1207.372559,3495.019775 1208.169556,3496.205811
	C1215.343628,3501.480713 1220.373779,3508.002686 1228.739014,3509.882812
	C1225.702026,3520.892334 1222.734497,3530.393311 1218.833984,3540.957764
	C1213.645020,3554.728271 1209.389160,3567.435791 1204.472168,3581.508301
	C1199.689331,3596.496338 1195.567749,3610.119629 1190.594482,3624.562012
	C1188.805908,3627.545898 1187.868896,3629.710449 1186.931885,3631.875000
	C1182.738159,3630.710205 1178.468506,3629.759766 1174.376099,3628.309082
	C1171.421143,3627.261719 1168.701782,3625.549561 1164.424561,3623.950684
	C1164.929199,3615.630859 1166.886353,3607.494385 1169.001221,3597.796387
z"/>
<path fill="#C6D2E7" opacity="1.000000" stroke="none"
	d="
M1186.963623,3633.374512
	C1187.868896,3629.710449 1188.805908,3627.545898 1192.091064,3624.645508
	C1199.297241,3623.834961 1203.404053,3625.467773 1206.871216,3628.959229
	C1218.952148,3641.125732 1231.041748,3653.284912 1243.259766,3665.313232
	C1247.442871,3669.431641 1248.189453,3674.408691 1247.969482,3679.824463
	C1245.944458,3680.939453 1243.919434,3682.054199 1240.892822,3683.762695
	C1223.961304,3688.859863 1208.024902,3693.339844 1192.104980,3697.877441
	C1185.131714,3699.865234 1178.192383,3701.971436 1171.897827,3703.828857
	C1167.560547,3700.606445 1169.036987,3697.379883 1169.930664,3694.262939
	C1175.608032,3674.463379 1181.305054,3654.669678 1186.963623,3633.374512
z"/>
<path fill="#808B9E" opacity="1.000000" stroke="none"
	d="
M759.645081,3179.775146
	C763.850342,3173.450928 768.055664,3167.126709 773.581360,3159.085938
	C776.361938,3156.755371 777.822083,3156.141113 780.732910,3155.790039
	C788.162170,3157.086182 790.936157,3161.491699 793.173218,3166.475830
	C798.850525,3179.123291 804.030823,3192.024414 810.319275,3204.360596
	C826.231262,3235.576416 842.699158,3266.508301 858.809265,3297.623779
	C862.265564,3304.299561 866.303955,3310.100098 873.901001,3312.417480
	C871.926392,3328.557129 869.951782,3344.697021 866.226929,3362.278809
	C854.733276,3359.461914 849.639709,3351.107666 844.972107,3342.160400
	C833.037292,3319.282471 821.584778,3296.107910 808.584412,3273.843018
	C793.524963,3248.051514 782.359436,3220.564697 770.493713,3193.339844
	C768.115295,3187.883057 765.861511,3182.213867 759.645081,3179.775146
z"/>
<path fill="#909BAF" opacity="1.000000" stroke="none"
	d="
M758.545532,3180.496582
	C765.861511,3182.213867 768.115295,3187.883057 770.493713,3193.339844
	C782.359436,3220.564697 793.524963,3248.051514 808.584412,3273.843018
	C821.584778,3296.107910 833.037292,3319.282471 844.972107,3342.160400
	C849.639709,3351.107666 854.733276,3359.461914 865.796265,3363.928955
	C866.134399,3379.003174 865.152893,3393.869385 863.773132,3410.406250
	C853.192505,3410.196289 848.065125,3402.571777 843.325928,3394.477295
	C829.977539,3371.679443 816.187073,3349.164551 804.447327,3325.421143
	C791.889709,3300.023193 777.587585,3275.479736 765.283264,3249.967285
	C759.556946,3238.093994 753.272339,3226.549805 747.276672,3214.841553
	C746.124817,3212.592285 743.829712,3210.928223 740.809143,3208.334961
	C745.519531,3198.856445 751.482727,3190.037354 758.545532,3180.496582
z"/>
<path fill="#6D778A" opacity="1.000000" stroke="none"
	d="
M874.505737,3311.885742
	C866.303955,3310.100098 862.265564,3304.299561 858.809265,3297.623779
	C842.699158,3266.508301 826.231262,3235.576416 810.319275,3204.360596
	C804.030823,3192.024414 798.850525,3179.123291 793.173218,3166.475830
	C790.936157,3161.491699 788.162170,3157.086182 781.027527,3154.448975
	C782.551697,3149.369873 784.724854,3145.282959 788.020691,3142.550049
	C794.359192,3137.293457 801.333435,3132.803223 809.463989,3128.177002
	C816.990906,3129.465088 819.111145,3134.410889 821.518982,3139.202881
	C830.973145,3158.017090 836.754333,3178.397217 847.369873,3196.812256
	C856.276306,3212.262207 862.970886,3228.988525 870.622803,3245.160156
	C873.826965,3251.931885 877.820618,3257.890869 885.528442,3260.178955
	C883.294861,3274.865967 881.061218,3289.552979 878.480713,3305.924072
	C877.125916,3308.856689 876.118164,3310.105225 874.505737,3311.885742
z"/>
<path fill="#123E92" opacity="1.000000" stroke="none"
	d="
M1468.447998,4004.612793
	C1468.555908,4005.795166 1467.501343,4006.415283 1465.291504,4006.275879
	C1465.270020,4005.087402 1466.319702,4004.598877 1468.447998,4004.612793
z"/>
<path fill="#6D778A" opacity="1.000000" stroke="none"
	d="
M1740.711426,4064.741455
	C1736.182617,4071.999268 1731.801636,4079.385254 1722.942139,4084.208984
	C1712.127319,4080.470459 1702.231689,4076.901855 1692.857666,4072.276367
	C1653.626953,4052.917236 1614.557617,4033.231445 1575.416504,4013.690918
	C1568.795898,4010.385742 1562.449219,4006.859131 1560.130127,3997.607422
	C1572.863159,3990.410400 1587.136841,3990.904785 1602.685791,3988.505615
	C1608.140015,3992.893066 1610.898193,3997.111084 1614.795532,3999.129883
	C1635.955688,4010.092041 1657.321533,4020.667480 1678.766235,4031.067139
	C1696.004028,4039.426270 1713.566895,4047.120117 1730.726318,4055.632080
	C1734.606079,4057.556885 1737.411499,4061.647705 1740.711426,4064.741455
z"/>
<path fill="#5B6477" opacity="1.000000" stroke="none"
	d="
M1741.806641,4064.036377
	C1737.411499,4061.647705 1734.606079,4057.556885 1730.726318,4055.632080
	C1713.566895,4047.120117 1696.004028,4039.426270 1678.766235,4031.067139
	C1657.321533,4020.667480 1635.955688,4010.092041 1614.795532,3999.129883
	C1610.898193,3997.111084 1608.140015,3992.893066 1604.318359,3988.323242
	C1606.125977,3985.472168 1608.471558,3983.988037 1611.503174,3981.708984
	C1619.103638,3979.468018 1626.018066,3978.022705 1634.683594,3977.820801
	C1637.597168,3980.603271 1638.426392,3982.805420 1639.971924,3983.581787
	C1664.113403,3995.709717 1688.298584,4007.753662 1712.581055,4019.597168
	C1724.402710,4025.363281 1736.579956,4030.411133 1748.302979,4036.362549
	C1751.574707,4038.023438 1753.800903,4041.744141 1756.506836,4044.520020
	C1754.813232,4052.845459 1748.164917,4057.587402 1741.806641,4064.036377
z"/>
<path fill="#475062" opacity="1.000000" stroke="none"
	d="
M903.619385,3215.567871
	C902.536987,3216.518799 901.454651,3217.469727 898.463379,3219.073242
	C890.607361,3218.229492 888.602356,3213.135010 886.197021,3208.395996
	C872.072266,3180.566895 858.006958,3152.719727 847.244202,3123.338623
	C844.984924,3117.171143 842.657288,3110.669434 836.331299,3106.525879
	C840.721497,3094.284912 840.566345,3093.992676 829.578918,3091.545410
	C828.960327,3091.407715 828.320129,3091.366943 827.787354,3089.714355
	C827.307190,3082.965820 827.740295,3077.409424 825.982727,3072.664551
	C816.883301,3048.101318 806.766113,3023.908447 797.960754,2999.245117
	C793.819580,2987.645508 787.607483,2976.381104 789.815735,2963.608887
	C802.237488,2969.121826 813.217041,2974.413086 824.143982,2981.293945
	C829.532715,2999.164795 834.880249,3015.477539 840.434448,3031.719971
	C853.086426,3068.719238 868.950623,3104.437500 884.292603,3140.348389
	C889.760559,3153.146729 896.798767,3165.270020 902.966797,3177.777100
	C904.942688,3181.783936 907.908386,3183.834229 912.074768,3185.494385
	C909.114929,3196.506104 906.367126,3206.036865 903.619385,3215.567871
z"/>
<path fill="#586174" opacity="1.000000" stroke="none"
	d="
M835.707458,3107.808838
	C842.657288,3110.669434 844.984924,3117.171143 847.244202,3123.338623
	C858.006958,3152.719727 872.072266,3180.566895 886.197021,3208.395996
	C888.602356,3213.135010 890.607361,3218.229492 897.875488,3219.993164
	C895.220703,3232.883789 891.245056,3245.506836 886.398926,3259.154541
	C877.820618,3257.890869 873.826965,3251.931885 870.622803,3245.160156
	C862.970886,3228.988525 856.276306,3212.262207 847.369873,3196.812256
	C836.754333,3178.397217 830.973145,3158.017090 821.518982,3139.202881
	C819.111145,3134.410889 816.990906,3129.465088 810.053223,3126.984131
	C817.803406,3119.307861 825.030212,3110.991455 835.707458,3107.808838
z"/>
<path fill="#061232" opacity="1.000000" stroke="none"
	d="
M904.258057,3216.789062
	C906.367126,3206.036865 909.114929,3196.506104 913.141541,3184.684814
	C918.930786,3172.266357 923.441162,3162.137939 928.984863,3151.340576
	C932.089783,3147.098389 934.161377,3143.525146 937.585449,3140.106934
	C942.038025,3142.252930 945.052856,3144.395752 948.260742,3146.194336
	C951.953857,3148.264893 955.817505,3150.031006 959.715942,3152.949951
	C959.897583,3154.651367 959.970459,3155.331787 959.013306,3156.905029
	C954.013794,3166.242676 950.044373,3174.687012 945.221008,3184.181152
	C939.982178,3196.291016 935.597290,3207.351074 931.212524,3218.411377
	C929.226501,3222.203613 927.240417,3225.995605 924.537537,3230.869629
	C914.389282,3231.544434 910.293579,3223.894531 904.258057,3216.789062
z"/>
<path fill="#909BAF" opacity="1.000000" stroke="none"
	d="
M693.414124,3087.833984
	C692.450317,3078.536377 690.510620,3070.569824 687.525085,3062.193604
	C677.548096,3034.201660 668.577271,3005.838379 659.742859,2977.455078
	C652.681946,2954.769531 646.089783,2931.926758 639.849670,2909.000977
	C635.877686,2894.408203 632.828613,2879.558594 629.689026,2864.755615
	C629.399414,2863.389893 631.457214,2861.526611 633.982605,2859.206543
	C644.718506,2865.936035 653.896851,2873.353516 663.672913,2883.513184
	C669.643555,2906.691895 674.214172,2927.381104 680.563293,2947.509033
	C692.312012,2984.755615 705.164490,3021.653320 717.419678,3058.741455
	C721.152344,3070.037842 724.434082,3081.482666 727.922241,3092.859619
	C716.928650,3091.379883 705.934998,3089.899902 693.414124,3087.833984
z"/>
<path fill="#7D889C" opacity="1.000000" stroke="none"
	d="
M728.976929,3093.718750
	C724.434082,3081.482666 721.152344,3070.037842 717.419678,3058.741455
	C705.164490,3021.653320 692.312012,2984.755615 680.563293,2947.509033
	C674.214172,2927.381104 669.643555,2906.691895 664.440002,2884.572021
	C666.166199,2883.362793 667.723022,2883.837402 670.466675,2884.603516
	C677.016418,2889.746338 682.350525,2894.629639 687.749695,2899.439941
	C693.650574,2904.697021 699.611755,2909.886230 706.756470,2917.378906
	C708.564941,2924.878662 708.429626,2930.320801 709.892639,2935.292480
	C715.485168,2954.298340 721.278259,2973.258057 727.581177,2992.039062
	C736.834045,3019.610107 746.545532,3047.027588 756.159668,3074.476318
	C758.583130,3081.395752 760.874329,3088.273926 759.004456,3096.405762
	C755.957458,3097.574707 753.806641,3098.098145 751.655884,3098.621582
	C744.447815,3097.273682 737.239746,3095.925781 728.976929,3093.718750
z"/>
<path fill="#0A255B" opacity="1.000000" stroke="none"
	d="
M751.765259,3100.340332
	C753.806641,3098.098145 755.957458,3097.574707 760.807556,3096.666504
	C775.554443,3095.858398 787.601990,3095.435059 801.227539,3095.266602
	C811.100342,3094.107910 819.395203,3092.694336 827.690002,3091.280762
	C828.320129,3091.366943 828.960327,3091.407715 829.578918,3091.545410
	C840.566345,3093.992676 840.721497,3094.284912 836.331299,3106.525879
	C825.030212,3110.991455 817.803406,3119.307861 808.633301,3126.802490
	C801.333435,3132.803223 794.359192,3137.293457 788.020691,3142.550049
	C784.724854,3145.282959 782.551697,3149.369873 779.576782,3154.186035
	C777.822083,3156.141113 776.361938,3156.755371 773.802979,3157.842529
	C766.986816,3145.212646 760.975647,3132.226074 755.696594,3118.948730
	C753.590027,3113.650146 753.100342,3107.708252 751.765259,3100.340332
z"/>
<path fill="#7897D1" opacity="1.000000" stroke="none"
	d="
M720.078918,2512.210449
	C725.456543,2512.702148 729.472229,2514.129150 735.634033,2516.583496
	C742.742554,2520.575439 747.705017,2523.539795 752.468750,2528.471924
	C752.181030,2535.102783 752.014343,2539.765869 752.018555,2544.428955
	C752.028259,2555.090332 750.393066,2566.129883 752.621216,2576.316895
	C755.366760,2588.869385 756.020081,2601.263672 756.097900,2613.885986
	C756.110168,2615.873535 756.367737,2617.874512 756.679688,2619.842773
	C759.057190,2634.840820 762.102844,2649.765137 763.719910,2664.843262
	C765.625793,2682.614990 767.525757,2700.331299 771.597595,2717.769531
	C773.251770,2724.854004 774.942993,2731.994385 775.727417,2739.206055
	C779.174194,2770.896484 787.352905,2801.654541 794.508484,2832.556641
	C800.785400,2859.664307 809.168762,2886.290771 816.856628,2913.062256
	C820.150085,2924.531006 824.380371,2935.758545 822.556396,2947.826172
	C808.695190,2941.370117 796.270508,2935.048096 783.845825,2928.726318
	C784.765259,2919.278564 782.894470,2910.332275 779.924316,2901.346436
	C768.471497,2866.697754 761.272949,2830.888672 753.027893,2795.448242
	C745.254089,2762.033936 741.524719,2727.692871 735.531006,2693.845215
	C731.952637,2673.637451 730.459717,2653.102295 727.088806,2633.034180
	C724.005615,2614.679199 726.736267,2595.827393 720.637634,2577.858643
	C718.801331,2572.448486 720.118774,2565.967285 719.995117,2559.976562
	C719.735596,2547.399414 721.153748,2534.740479 716.618774,2522.429688
	C715.698547,2519.931396 717.935547,2516.270508 720.078918,2512.210449
z"/>
<path fill="#09183A" opacity="1.000000" stroke="none"
	d="
M782.672913,2928.572754
	C796.270508,2935.048096 808.695190,2941.370117 823.648071,2948.762207
	C839.974548,2954.662109 853.772888,2959.491943 867.808472,2965.163086
	C868.045715,2966.004639 868.582031,2967.668945 867.495239,2968.528320
	C866.112671,2971.221191 865.403870,2973.099365 865.597290,2974.879639
	C866.219971,2980.612305 867.175293,2986.309082 866.656860,2992.027344
	C863.516663,2992.056641 861.722107,2992.078125 858.965881,2991.038818
	C851.187561,2987.607910 844.420532,2985.078857 837.536133,2982.924805
	C833.180115,2981.562012 828.649109,2980.758789 824.196655,2979.704346
	C813.217041,2974.413086 802.237488,2969.121826 788.953369,2962.660889
	C780.371277,2957.227783 774.093750,2952.964355 767.816284,2948.700928
	C767.948853,2944.230225 767.459412,2939.616211 768.444519,2935.342041
	C769.047363,2932.726318 771.913391,2930.632324 775.322266,2927.877930
	C778.420898,2927.774414 779.960449,2928.096680 782.672913,2928.572754
z"/>
<path fill="#7897D1" opacity="1.000000" stroke="none"
	d="
M779.889160,1944.934937
	C786.113159,1939.374878 792.384277,1935.610596 800.787842,1930.585815
	C806.132141,1928.015869 809.343994,1926.706177 813.983276,1926.331055
	C819.582947,1930.784668 819.367981,1934.930176 818.089539,1939.885498
	C807.342590,1981.538818 793.697876,2022.379517 785.343384,2064.735840
	C779.331665,2095.214355 772.279602,2125.476318 767.765625,2156.254150
	C765.851501,2169.305664 762.889099,2182.202393 760.920593,2195.247314
	C758.947998,2208.319824 757.324890,2221.461670 756.081360,2234.623535
	C754.338684,2253.067627 754.838684,2271.917725 751.144958,2289.930664
	C747.320251,2308.581787 748.274536,2326.907715 748.634766,2345.456787
	C738.922852,2350.653320 729.210876,2355.849854 718.136597,2361.435059
	C715.824097,2347.275879 714.751404,2332.820801 719.314697,2318.467773
	C720.859802,2313.607910 719.851562,2307.934082 719.997437,2302.631836
	C720.323853,2290.765381 718.639221,2278.727539 723.343750,2267.239502
	C724.063904,2265.480713 723.853333,2263.313721 723.947144,2261.329834
	C725.319702,2232.310059 729.910095,2203.752197 735.250183,2175.222168
	C739.122803,2154.531982 741.204041,2133.507324 744.132507,2112.638672
	C744.498291,2110.031738 745.128723,2107.459717 745.689514,2104.883057
	C750.590515,2082.366699 755.241516,2059.791260 760.503357,2037.359497
	C764.116638,2021.956055 768.625793,2006.763794 772.656494,1991.456787
	C776.519470,1976.786621 780.709595,1962.159668 779.889160,1944.934937
z"/>
<path fill="#1148B0" opacity="1.000000" stroke="none"
	d="
M727.959717,2480.434814
	C717.325256,2475.599365 706.666748,2470.816162 696.065063,2465.910400
	C688.981018,2462.632568 681.977661,2459.180420 673.530823,2455.368652
	C667.919006,2451.873535 663.745422,2448.772461 659.500732,2445.771729
	C655.818298,2443.168457 652.055176,2440.678955 648.996094,2438.594971
	C648.068970,2431.664307 652.267822,2428.936279 656.047791,2426.581543
	C663.314331,2422.055420 670.966919,2418.148682 679.237549,2412.843262
	C681.313965,2411.437988 682.929810,2411.579346 683.862061,2410.848633
	C694.913635,2402.186523 708.107239,2397.727783 723.298706,2392.879639
	C726.665466,2399.655029 727.866882,2405.454346 727.919434,2411.264160
	C728.127869,2434.319336 727.977234,2457.377686 727.959717,2480.434814
z"/>
<path fill="#6D778A" opacity="1.000000" stroke="none"
	d="
M759.998535,1773.558838
	C770.802429,1771.966187 781.569458,1771.934937 794.155396,1773.683716
	C795.181824,1779.960815 794.918579,1784.634155 793.490112,1788.919312
	C790.165039,1798.893677 786.261292,1808.674438 782.623657,1818.545410
	C776.726990,1834.546265 770.393616,1850.405518 765.091492,1866.601685
	C758.557800,1886.559937 750.821594,1906.213867 747.741699,1927.175293
	C742.845947,1930.496826 737.950256,1933.818359 732.301147,1938.140381
	C723.134644,1944.280151 714.721558,1949.419434 705.026733,1954.915283
	C705.103882,1936.508789 712.651306,1919.311035 717.496643,1901.441040
	C728.282654,1861.661987 744.542664,1823.742188 757.653259,1784.748169
	C758.700867,1781.632324 759.204834,1778.333862 759.998535,1773.558838
z"/>
<path fill="#6D778A" opacity="1.000000" stroke="none"
	d="
M799.649536,3095.011719
	C787.601990,3095.435059 775.554443,3095.858398 761.703796,3096.021240
	C760.874329,3088.273926 758.583130,3081.395752 756.159668,3074.476318
	C746.545532,3047.027588 736.834045,3019.610107 727.581177,2992.039062
	C721.278259,2973.258057 715.485168,2954.298340 709.892639,2935.292480
	C708.429626,2930.320801 708.564941,2924.878662 707.940796,2918.022461
	C723.350891,2922.837402 736.422546,2932.936035 750.691650,2945.391113
	C755.318115,2960.920654 757.921570,2974.502930 762.105835,2987.579102
	C768.296082,3006.924805 775.476379,3025.959961 782.491333,3045.033203
	C787.024231,3057.357666 792.184875,3069.451660 796.706543,3081.780029
	C798.248596,3085.984863 798.699829,3090.589600 799.649536,3095.011719
z"/>
<path fill="#586174" opacity="1.000000" stroke="none"
	d="
M801.227478,3095.266602
	C798.699829,3090.589600 798.248596,3085.984863 796.706543,3081.780029
	C792.184875,3069.451660 787.024231,3057.357666 782.491333,3045.033203
	C775.476379,3025.959961 768.296082,3006.924805 762.105835,2987.579102
	C757.921570,2974.502930 755.318115,2960.920654 751.910034,2946.010010
	C756.230896,2945.691406 760.649231,2946.927246 766.441895,2948.432129
	C774.093750,2952.964355 780.371277,2957.227783 787.511169,2962.438965
	C787.607483,2976.381104 793.819580,2987.645508 797.960754,2999.245117
	C806.766113,3023.908447 816.883301,3048.101318 825.982727,3072.664551
	C827.740295,3077.409424 827.307190,3082.965820 827.787354,3089.714355
	C819.395203,3092.694336 811.100342,3094.107910 801.227478,3095.266602
z"/>
<path fill="#6E8BC2" opacity="1.000000" stroke="none"
	d="
M749.995117,2345.160156
	C748.274536,2326.907715 747.320251,2308.581787 751.144958,2289.930664
	C754.838684,2271.917725 754.338684,2253.067627 756.081360,2234.623535
	C757.324890,2221.461670 758.947998,2208.319824 760.920593,2195.247314
	C762.889099,2182.202393 765.851501,2169.305664 767.765625,2156.254150
	C772.279602,2125.476318 779.331665,2095.214355 785.343384,2064.735840
	C793.697876,2022.379517 807.342590,1981.538818 818.089539,1939.885498
	C819.367981,1934.930176 819.582947,1930.784668 815.284668,1925.613281
	C823.379211,1921.064453 831.599854,1918.167847 839.874390,1917.046631
	C839.890503,1926.773804 839.845520,1934.507080 837.283997,1942.413574
	C831.570251,1960.049438 826.675415,1977.976074 822.103455,1995.951294
	C812.316406,2034.430420 802.089783,2072.820068 795.337830,2112.000977
	C792.534241,2128.270020 790.138306,2144.613281 787.095886,2160.836182
	C782.102356,2187.462158 776.671143,2214.006592 775.930359,2241.220215
	C775.858398,2243.862793 775.940002,2246.758545 774.916809,2249.081299
	C771.266602,2257.368408 772.128540,2266.046875 772.001282,2274.661377
	C771.932556,2279.321289 772.999023,2284.348145 771.616028,2288.575684
	C766.504272,2304.201660 768.355042,2320.184082 767.373596,2336.963867
	C764.284058,2339.486084 761.849304,2341.112305 759.414612,2342.738281
	C756.728210,2343.446777 754.041809,2344.155273 749.995117,2345.160156
z"/>
<path fill="#103C8D" opacity="1.000000" stroke="none"
	d="
M763.487183,2371.572510
	C763.487183,2371.572510 763.779236,2369.692139 765.296814,2368.563477
	C770.465088,2365.858154 774.602478,2364.923584 777.679504,2362.590332
	C789.084351,2353.943115 802.316650,2350.052002 815.913330,2348.800781
	C815.964722,2408.523193 815.978638,2466.247070 814.561218,2523.794434
	C798.038940,2516.081543 782.947998,2508.545166 768.059814,2499.302734
	C773.613770,2483.564941 772.513489,2469.125488 770.956970,2454.662354
	C770.611938,2451.456299 769.242798,2448.054932 769.908875,2445.095215
	C774.328125,2425.461670 770.943542,2405.615723 771.974915,2385.908936
	C772.322632,2379.264404 769.478455,2374.479248 763.487183,2371.572510
z"/>
<path fill="#10409F" opacity="1.000000" stroke="none"
	d="
M762.096924,2371.812012
	C769.478455,2374.479248 772.322632,2379.264404 771.974915,2385.908936
	C770.943542,2405.615723 774.328125,2425.461670 769.908875,2445.095215
	C769.242798,2448.054932 770.611938,2451.456299 770.956970,2454.662354
	C772.513489,2469.125488 773.613770,2483.564941 766.649536,2498.939941
	C755.355835,2496.203369 745.675049,2492.123779 735.994263,2488.044189
	C733.748413,2486.118896 731.502502,2484.193359 728.608154,2481.351562
	C727.977234,2457.377686 728.127869,2434.319336 727.919434,2411.264160
	C727.866882,2405.454346 726.665466,2399.655029 724.726685,2392.643555
	C735.876404,2384.974609 748.291504,2378.513184 762.096924,2371.812012
z"/>
<path fill="#070E22" opacity="1.000000" stroke="none"
	d="
M815.875854,2346.802734
	C802.316650,2350.052002 789.084351,2353.943115 777.679504,2362.590332
	C774.602478,2364.923584 770.465088,2365.858154 765.395264,2367.617188
	C762.569824,2360.539307 761.163574,2353.279297 759.585999,2344.378662
	C761.849304,2341.112305 764.284058,2339.486084 768.690674,2336.851562
	C775.098877,2333.203369 779.535156,2330.563721 785.353088,2327.821777
	C793.948914,2324.147949 801.163086,2320.576416 809.822021,2316.784668
	C820.808899,2312.182373 830.351013,2307.800293 841.156921,2303.277588
	C845.633789,2302.234375 848.846985,2301.331787 852.047241,2302.008301
	C851.493347,2311.149414 852.424927,2318.411621 855.562500,2326.127930
	C851.832520,2328.773682 848.992676,2330.432617 846.055542,2331.896729
	C836.014221,2336.902588 825.938477,2341.839600 815.875854,2346.802734
z"/>
<path fill="#5B6477" opacity="1.000000" stroke="none"
	d="
M749.050293,1926.836426
	C750.821594,1906.213867 758.557800,1886.559937 765.091492,1866.601685
	C770.393616,1850.405518 776.726990,1834.546265 782.623657,1818.545410
	C786.261292,1808.674438 790.165039,1798.893677 793.490112,1788.919312
	C794.918579,1784.634155 795.181824,1779.960815 795.940063,1773.885498
	C805.820984,1770.838867 815.124084,1773.952515 826.116699,1776.402588
	C826.078857,1783.714233 825.528076,1791.217651 822.684814,1797.718506
	C812.307861,1821.444092 803.838074,1845.828125 795.867188,1870.417847
	C792.636536,1880.384277 785.777832,1889.404907 788.004395,1902.435059
	C775.467224,1911.557739 762.913086,1919.027588 749.050293,1926.836426
z"/>
<path fill="#061232" opacity="1.000000" stroke="none"
	d="
M839.820557,1915.271362
	C831.599854,1918.167847 823.379211,1921.064453 813.857178,1924.678711
	C809.343994,1926.706177 806.132141,1928.015869 801.658752,1929.717041
	C801.580383,1921.135010 802.763489,1912.161499 803.916382,1901.498413
	C810.038757,1896.583618 816.191345,1893.358398 824.664307,1889.001831
	C836.647522,1883.901489 846.310303,1879.932373 857.513794,1875.986328
	C866.025085,1874.648804 872.995728,1873.287842 879.975342,1873.640503
	C880.010132,1883.327881 880.035950,1891.301880 878.871277,1899.970825
	C871.790100,1903.073608 865.899353,1905.481323 858.620728,1907.937378
	C851.428772,1910.414307 845.624634,1912.842773 839.820557,1915.271362
z"/>
<path fill="#051029" opacity="1.000000" stroke="none"
	d="
M735.992188,2489.781250
	C745.675049,2492.123779 755.355835,2496.203369 766.446838,2500.645996
	C782.947998,2508.545166 798.038940,2516.081543 815.709045,2524.445801
	C824.206543,2528.777344 830.124939,2532.281006 836.028076,2537.520508
	C836.108398,2547.271240 836.203979,2555.286133 834.880188,2563.137695
	C821.038635,2557.849609 808.616516,2552.724365 795.244141,2546.609863
	C780.418335,2539.248535 766.542847,2532.876465 752.667419,2526.504150
	C747.705017,2523.539795 742.742554,2520.575439 736.926636,2516.719238
	C736.045471,2507.724365 736.017822,2499.621094 735.992188,2489.781250
z"/>
<path fill="#7897D1" opacity="1.000000" stroke="none"
	d="
M4101.136230,1947.353760
	C4092.767578,1954.264893 4095.687256,1962.946167 4097.791504,1971.176636
	C4104.333008,1996.766968 4111.505371,2022.198975 4117.828613,2047.841309
	C4122.878418,2068.317627 4128.668945,2088.816162 4131.178223,2109.660156
	C4134.102051,2133.949951 4140.958008,2157.545898 4143.209961,2181.726074
	C4145.777344,2209.291748 4153.823242,2236.270996 4152.035156,2264.266357
	C4159.536133,2285.262695 4153.137695,2307.713867 4159.058105,2329.099121
	C4161.591309,2338.246826 4161.950195,2348.780762 4154.951660,2359.243896
	C4142.662598,2355.129150 4133.073242,2350.105713 4123.771484,2343.460205
	C4125.817871,2335.564941 4128.332520,2329.864502 4125.904297,2322.602539
	C4123.669434,2315.916748 4124.433105,2308.206543 4124.021973,2300.939453
	C4123.609863,2293.646729 4124.713867,2285.956055 4122.732422,2279.144043
	C4120.238770,2270.573730 4120.124512,2262.140137 4119.988281,2253.520508
	C4119.904785,2248.200928 4120.273438,2242.794434 4119.461426,2237.579346
	C4115.908203,2214.758301 4111.369629,2192.075439 4108.373047,2169.187256
	C4104.419922,2138.993896 4098.389648,2109.236572 4091.987793,2079.515137
	C4088.786621,2064.653320 4086.728516,2049.510010 4082.861816,2034.834595
	C4075.434570,2006.646851 4067.054443,1978.710815 4059.155518,1950.646118
	C4057.910156,1946.221802 4056.781494,1941.712646 4056.209473,1937.165894
	C4055.677490,1932.936279 4057.522705,1929.402710 4062.661621,1927.324463
	C4076.409424,1934.168213 4088.772949,1940.760986 4101.136230,1947.353760
z"/>
<path fill="#09183A" opacity="1.000000" stroke="none"
	d="
M4123.483887,2345.082275
	C4133.073242,2350.105713 4142.662598,2355.129150 4153.606445,2360.258057
	C4165.283203,2366.435547 4175.605469,2372.507568 4186.918945,2379.507324
	C4187.333496,2388.191650 4190.569336,2396.892334 4179.695801,2403.209229
	C4167.444336,2399.403320 4157.877441,2395.151855 4147.400879,2389.940430
	C4132.686523,2381.334473 4119.383301,2372.664307 4102.875488,2367.502441
	C4095.816895,2363.188477 4089.911621,2359.554443 4084.000244,2354.190430
	C4083.974121,2344.393555 4083.954346,2336.326660 4085.207275,2328.264160
	C4089.678711,2329.327881 4092.877197,2330.386719 4097.205078,2332.256836
	C4106.717773,2337.072754 4115.100586,2341.077637 4123.483887,2345.082275
z"/>
<path fill="#09183A" opacity="1.000000" stroke="none"
	d="
M4102.491699,1947.589966
	C4088.772949,1940.760986 4076.409424,1934.168213 4061.658691,1926.307373
	C4046.162109,1919.267090 4033.053223,1913.494751 4019.953857,1906.119629
	C4018.687988,1896.272461 4017.412354,1888.027832 4017.473145,1879.816162
	C4020.594238,1879.804199 4022.378906,1879.759155 4025.579102,1879.967285
	C4036.710449,1884.053833 4046.425781,1887.887085 4056.141357,1891.720459
	C4067.155029,1897.049072 4078.168457,1902.377686 4091.714355,1908.483398
	C4100.145020,1912.954834 4106.043945,1916.649170 4111.942383,1920.343506
	C4111.905762,1929.137817 4111.868652,1937.932129 4111.717773,1948.664062
	C4109.018066,1949.676514 4106.432617,1948.751343 4102.491699,1947.589966
z"/>
<path fill="#7897D1" opacity="1.000000" stroke="none"
	d="
M4144.001465,2512.104004
	C4148.247559,2510.543213 4152.493652,2508.982178 4158.056641,2507.029053
	C4159.781250,2520.498779 4161.740723,2534.367432 4156.894531,2548.040039
	C4155.409668,2552.229492 4156.130371,2557.236328 4156.029297,2561.873047
	C4155.769531,2573.756592 4157.252930,2585.794922 4152.551758,2597.258301
	C4152.069824,2598.433105 4152.153809,2599.876221 4152.130371,2601.197510
	C4151.740234,2623.029785 4147.833496,2644.422607 4144.506348,2665.922363
	C4141.082031,2688.049316 4139.048828,2710.389893 4135.708008,2732.531494
	C4133.447266,2747.514404 4130.328613,2762.393799 4126.979004,2777.180664
	C4119.547852,2809.989746 4111.887207,2842.749512 4103.992676,2875.450195
	C4100.895508,2888.280762 4096.704590,2900.845947 4093.517822,2913.657715
	C4092.820312,2916.461670 4094.279053,2919.802246 4095.086426,2924.885010
	C4082.353027,2932.939697 4069.278320,2939.005127 4056.167969,2943.384766
	C4056.516846,2939.084717 4056.684814,2936.416992 4057.317871,2933.864502
	C4066.537842,2896.677246 4078.739990,2860.276367 4086.530518,2822.707520
	C4090.955811,2801.366943 4095.270264,2779.992188 4100.315918,2758.795166
	C4104.456543,2741.401367 4106.920410,2723.812012 4109.448730,2706.147217
	C4113.184082,2680.048340 4119.205566,2654.273193 4120.049316,2627.777100
	C4120.133789,2625.127686 4119.844727,2622.209717 4120.838379,2619.891602
	C4124.937988,2610.323486 4123.819336,2600.310547 4124.000977,2590.391846
	C4124.098145,2585.076660 4123.010254,2579.388428 4124.528320,2574.513428
	C4129.817383,2557.525635 4127.720215,2540.289062 4128.413086,2522.139648
	C4134.153809,2518.158447 4139.077637,2515.131104 4144.001465,2512.104004
z"/>
<path fill="#051841" opacity="1.000000" stroke="none"
	d="
M4056.203369,2945.070557
	C4069.278320,2939.005127 4082.353027,2932.939697 4096.313965,2925.778809
	C4109.262207,2918.072266 4121.323730,2911.461670 4134.716797,2904.456055
	C4140.416504,2910.785645 4139.990234,2918.439941 4140.535156,2927.627197
	C4140.065918,2930.473633 4139.102539,2931.373535 4135.951660,2932.347900
	C4133.360352,2933.793213 4132.703125,2934.892822 4132.045898,2935.992432
	C4132.045898,2935.992432 4131.997559,2935.995361 4132.002441,2936.026367
	C4119.247559,2943.337646 4106.488281,2950.618164 4092.844727,2958.922363
	C4079.667236,2965.282471 4067.374023,2970.619141 4052.286865,2976.658691
	C4041.612793,2981.486084 4033.588379,2985.109375 4024.270996,2982.975586
	C4025.426514,2974.042480 4026.683838,2966.735107 4028.819336,2958.422852
	C4038.532959,2953.302246 4047.368164,2949.186279 4056.203369,2945.070557
z"/>
<path fill="#1148B0" opacity="1.000000" stroke="none"
	d="
M4148.310547,2390.900391
	C4157.877441,2395.151855 4167.444336,2399.403320 4178.397461,2403.932861
	C4190.957520,2410.939697 4202.131348,2417.668457 4213.304688,2424.396729
	C4217.701660,2427.044922 4222.099609,2429.691650 4226.887207,2432.573730
	C4222.767578,2443.185059 4212.492676,2444.446289 4204.787109,2450.894531
	C4194.766113,2456.571045 4185.554199,2461.223877 4176.292969,2465.776367
	C4169.306152,2469.210693 4162.255859,2472.517090 4152.409668,2475.299316
	C4144.819824,2471.253906 4143.946289,2466.307861 4143.976074,2460.825195
	C4144.072266,2443.151855 4143.667969,2425.467529 4144.206055,2407.810303
	C4144.378418,2402.137207 4146.876465,2396.534912 4148.310547,2390.900391
z"/>
<path fill="#6D778A" opacity="1.000000" stroke="none"
	d="
M4080.163330,1772.458496
	C4089.604492,1772.183350 4099.045898,1771.908081 4110.414551,1773.343506
	C4116.928223,1787.499756 4121.608887,1799.911377 4126.077148,1812.399048
	C4132.107910,1829.252930 4138.066406,1846.133667 4143.880859,1863.062988
	C4148.183105,1875.589722 4152.571777,1888.106079 4156.261719,1900.818604
	C4161.216797,1917.889404 4168.366699,1934.535278 4167.563477,1952.872681
	C4155.186523,1944.975098 4142.809570,1937.077515 4129.223145,1926.852295
	C4125.704590,1915.631104 4123.999512,1906.526489 4120.979492,1897.881226
	C4109.469238,1864.933350 4097.433105,1832.169678 4085.829346,1799.254028
	C4082.787598,1790.625732 4078.638916,1782.105835 4080.163330,1772.458496
z"/>
<path fill="#7D889C" opacity="1.000000" stroke="none"
	d="
M4168.306641,1953.943115
	C4168.366699,1934.535278 4161.216797,1917.889404 4156.261719,1900.818604
	C4152.571777,1888.106079 4148.183105,1875.589722 4143.880859,1863.062988
	C4138.066406,1846.133667 4132.107910,1829.252930 4126.077148,1812.399048
	C4121.608887,1799.911377 4116.928223,1787.499756 4112.174805,1773.563477
	C4121.578613,1772.172119 4131.150391,1772.271851 4142.460938,1772.858398
	C4142.428711,1790.010010 4150.016602,1804.432373 4155.879395,1819.057495
	C4159.575684,1828.277710 4163.029297,1837.422974 4165.855469,1846.982422
	C4173.737305,1873.644897 4182.752930,1899.969849 4190.975098,1926.535156
	C4195.661621,1941.676392 4199.739258,1957.014160 4199.825195,1974.801514
	C4189.497070,1969.368042 4179.273926,1962.190674 4168.306641,1953.943115
z"/>
<path fill="#5B6477" opacity="1.000000" stroke="none"
	d="
M4078.554932,1772.287598
	C4078.638916,1782.105835 4082.787598,1790.625732 4085.829346,1799.254028
	C4097.433105,1832.169678 4109.469238,1864.933350 4120.979492,1897.881226
	C4123.999512,1906.526489 4125.704590,1915.631104 4128.103027,1926.080078
	C4123.592285,1925.438354 4118.991699,1923.241089 4113.166992,1920.693604
	C4106.043945,1916.649170 4100.145020,1912.954834 4093.144287,1908.574463
	C4090.907471,1901.416382 4090.466553,1894.727173 4088.519775,1888.509766
	C4079.599609,1860.024658 4070.403809,1831.635864 4058.378174,1804.231323
	C4054.958252,1796.438477 4051.446289,1788.348145 4052.108643,1777.798706
	C4060.429932,1774.848755 4068.688232,1773.482788 4078.554932,1772.287598
z"/>
<path fill="#10409F" opacity="1.000000" stroke="none"
	d="
M4147.400879,2389.940430
	C4146.876465,2396.534912 4144.378418,2402.137207 4144.206055,2407.810303
	C4143.667969,2425.467529 4144.072266,2443.151855 4143.976074,2460.825195
	C4143.946289,2466.307861 4144.819824,2471.253906 4151.003418,2475.558594
	C4148.551758,2479.327637 4144.682617,2482.256592 4138.705078,2486.497559
	C4132.441895,2489.643555 4128.330566,2491.585449 4124.122070,2493.286865
	C4117.495605,2495.964844 4110.803223,2498.481689 4104.082031,2499.399658
	C4102.692871,2489.374512 4102.488770,2481.264160 4103.313965,2472.580322
	C4105.062500,2454.177979 4104.271973,2435.495605 4103.841797,2416.943604
	C4103.661133,2409.127686 4100.155273,2401.157959 4101.066406,2393.608643
	C4102.085938,2385.159424 4104.587891,2376.865723 4104.028809,2368.181885
	C4119.383301,2372.664307 4132.686523,2381.334473 4147.400879,2389.940430
z"/>
<path fill="#051029" opacity="1.000000" stroke="none"
	d="
M4104.139160,2501.066895
	C4110.803223,2498.481689 4117.495605,2495.964844 4124.122070,2493.286865
	C4128.330566,2491.585449 4132.441895,2489.643555 4138.008301,2487.516113
	C4146.644043,2493.200928 4143.172363,2501.447021 4143.996094,2510.443359
	C4139.077637,2515.131104 4134.153809,2518.158447 4127.009277,2522.334229
	C4115.005859,2528.583740 4105.223633,2533.685059 4094.072266,2539.151855
	C4085.845703,2542.756836 4078.988525,2545.996094 4070.779785,2549.431152
	C4058.349854,2554.877930 4047.271240,2560.128906 4035.112793,2565.409668
	C4031.970215,2566.001221 4029.907227,2566.562988 4027.880859,2565.593262
	C4028.217773,2555.939209 4028.956787,2547.635742 4020.374756,2542.526367
	C4032.865234,2535.681885 4044.434814,2529.871338 4057.439941,2523.866455
	C4065.935791,2520.472656 4073.107178,2517.493896 4080.028809,2514.018066
	C4088.178467,2509.926025 4096.111816,2505.402832 4104.139160,2501.066895
z"/>
<path fill="#6E8BC2" opacity="1.000000" stroke="none"
	d="
M3683.364258,1335.059082
	C3686.334473,1325.262817 3689.304688,1315.466553 3693.038086,1304.581055
	C3704.329590,1307.420044 3710.672119,1316.351562 3717.559814,1324.283691
	C3727.100830,1335.272095 3734.833984,1347.903198 3744.847412,1358.393311
	C3763.753418,1378.199707 3778.344971,1401.245728 3795.115234,1422.633301
	C3822.588135,1457.669556 3846.646240,1495.146240 3870.681152,1532.573975
	C3882.873047,1551.559570 3893.980957,1571.250488 3905.299072,1590.784668
	C3912.963379,1604.011719 3920.216797,1617.479736 3927.499268,1630.923584
	C3930.772705,1636.966187 3934.575684,1642.221069 3943.196289,1644.085205
	C3942.476074,1657.898071 3935.445068,1669.584717 3927.484375,1682.746582
	C3917.258301,1682.190308 3915.710449,1675.003540 3912.671875,1669.334106
	C3899.829590,1645.370239 3888.211670,1620.681396 3874.213379,1597.420654
	C3849.655273,1556.613159 3825.492432,1515.498901 3796.766846,1477.332397
	C3784.448975,1460.966064 3773.244873,1443.760986 3760.916992,1427.402466
	C3746.606445,1408.413086 3732.417969,1389.223877 3716.649170,1371.478638
	C3705.748047,1359.211426 3696.904297,1344.934204 3683.364258,1335.059082
z"/>
<path fill="#384052" opacity="1.000000" stroke="none"
	d="
M4056.094971,1890.131592
	C4046.425781,1887.887085 4036.710449,1884.053833 4025.521240,1878.403809
	C4023.715576,1873.311035 4024.033447,1869.797485 4022.938477,1866.799805
	C4018.190430,1853.799561 4013.204346,1840.879150 4007.983154,1828.060669
	C3997.541504,1802.425049 3986.657227,1776.967896 3976.406250,1751.257324
	C3969.780273,1734.639404 3962.145996,1718.634399 3951.914062,1703.926392
	C3955.551025,1695.421509 3959.187988,1686.916626 3963.478516,1677.187744
	C3968.552979,1676.263306 3971.296631,1678.649414 3973.217041,1682.585449
	C3978.749512,1693.924194 3984.906006,1704.975586 3990.056152,1716.480713
	C4007.908936,1756.364014 4025.065430,1796.555298 4040.525146,1837.432495
	C4046.824707,1854.089111 4054.134766,1870.519897 4056.094971,1890.131592
z"/>
<path fill="#6580B4" opacity="1.000000" stroke="none"
	d="
M3682.373535,1336.115234
	C3696.904297,1344.934204 3705.748047,1359.211426 3716.649170,1371.478638
	C3732.417969,1389.223877 3746.606445,1408.413086 3760.916992,1427.402466
	C3773.244873,1443.760986 3784.448975,1460.966064 3796.766846,1477.332397
	C3825.492432,1515.498901 3849.655273,1556.613159 3874.213379,1597.420654
	C3888.211670,1620.681396 3899.829590,1645.370239 3912.671875,1669.334106
	C3915.710449,1675.003540 3917.258301,1682.190308 3926.599121,1683.840576
	C3926.655273,1688.112671 3925.300781,1692.224609 3922.911133,1698.405762
	C3920.019043,1703.000610 3918.161621,1705.526245 3914.784180,1708.016846
	C3906.399414,1708.255005 3902.443848,1704.656372 3899.362305,1698.751099
	C3889.544189,1679.937500 3878.905273,1661.543701 3869.382324,1642.586548
	C3853.581787,1611.133179 3834.965332,1581.373169 3815.857422,1551.913696
	C3798.934326,1525.822021 3782.164551,1499.570923 3763.913086,1474.416382
	C3742.576904,1445.010010 3720.074219,1416.420898 3697.280273,1388.119385
	C3690.477539,1379.672729 3684.126709,1369.302002 3671.370117,1367.895264
	C3674.707764,1357.654053 3678.045410,1347.412842 3682.373535,1336.115234
z"/>
<path fill="#070E22" opacity="1.000000" stroke="none"
	d="
M3916.304199,1708.051758
	C3918.161621,1705.526245 3920.019043,1703.000610 3922.783203,1699.714600
	C3923.993896,1708.677490 3931.438965,1713.366089 3938.766602,1720.811279
	C3937.180420,1728.500122 3934.557373,1734.246216 3930.670898,1740.665771
	C3922.258301,1748.835815 3919.718506,1758.869751 3917.108154,1768.120117
	C3914.479980,1777.434937 3914.615967,1787.744629 3918.750244,1797.496216
	C3924.709961,1811.553467 3930.575928,1825.707886 3935.340820,1840.196167
	C3939.043945,1851.455933 3946.593262,1858.650879 3956.923096,1861.993774
	C3966.875977,1865.214844 3977.081787,1868.978027 3989.319824,1868.570068
	C3994.226074,1870.151367 3997.974365,1870.789551 4001.360352,1872.261353
	C4006.419434,1874.460693 4011.223877,1877.246704 4016.136719,1879.783203
	C4017.412354,1888.027832 4018.687988,1896.272461 4018.977051,1906.290039
	C4017.990479,1908.063110 4016.041260,1908.431763 4014.760254,1907.702515
	C4004.992676,1904.609497 3996.505615,1902.245728 3986.897461,1898.910767
	C3977.045410,1895.969849 3968.347168,1893.838379 3959.573242,1892.085449
	C3953.348389,1890.841919 3952.141602,1895.364380 3949.989990,1899.848511
	C3939.125244,1896.486450 3937.748779,1887.156006 3934.204346,1879.816162
	C3928.841309,1868.710571 3924.292236,1857.185547 3919.905273,1845.645630
	C3917.718994,1839.894653 3913.307373,1840.262329 3907.958008,1838.796631
	C3886.943848,1786.377808 3859.343994,1739.719727 3822.668457,1698.565430
	C3820.929443,1696.614136 3819.652344,1694.250854 3818.600098,1690.102783
	C3819.341309,1678.808472 3819.642822,1669.490845 3821.165039,1660.692017
	C3832.253418,1671.479980 3842.120605,1681.749268 3852.516602,1693.251953
	C3857.471680,1700.288818 3861.948730,1706.054443 3866.310303,1711.906006
	C3870.671387,1717.756836 3874.775391,1723.803589 3879.253174,1729.561401
	C3883.582031,1735.127197 3885.952148,1742.334839 3893.053467,1747.582153
	C3902.343262,1734.368896 3911.711182,1722.698364 3916.304199,1708.051758
z"/>
<path fill="#2B3343" opacity="1.000000" stroke="none"
	d="
M4017.473145,1879.816162
	C4011.223877,1877.246704 4006.419434,1874.460693 4001.360352,1872.261353
	C3997.974365,1870.789551 3994.226074,1870.151367 3989.162354,1867.102173
	C3976.928467,1837.930054 3966.703369,1810.568237 3955.208740,1783.750488
	C3948.715576,1768.601685 3942.707520,1752.964478 3931.934082,1739.992188
	C3934.557373,1734.246216 3937.180420,1728.500122 3940.005127,1721.385986
	C3943.424316,1715.148438 3946.642090,1710.278931 3950.886963,1704.667969
	C3962.145996,1718.634399 3969.780273,1734.639404 3976.406250,1751.257324
	C3986.657227,1776.967896 3997.541504,1802.425049 4007.983154,1828.060669
	C4013.204346,1840.879150 4018.190430,1853.799561 4022.938477,1866.799805
	C4024.033447,1869.797485 4023.715576,1873.311035 4024.105469,1878.150635
	C4022.378906,1879.759155 4020.594238,1879.804199 4017.473145,1879.816162
z"/>
<path fill="#060D1F" opacity="1.000000" stroke="none"
	d="
M3143.610352,935.691528
	C3150.452881,939.571289 3156.191162,944.233337 3155.780762,955.264771
	C3155.600342,957.405640 3155.331299,958.845154 3153.947754,959.266174
	C3143.060303,964.591431 3131.875977,966.796997 3125.389893,976.505188
	C3125.762695,977.830444 3125.701904,979.614075 3126.520020,980.229187
	C3144.266357,993.575928 3162.110840,1006.792542 3180.532227,1021.230469
	C3197.623047,1036.621094 3214.571777,1050.354370 3225.946533,1068.060303
	C3220.597900,1066.828491 3216.516113,1066.254272 3213.165527,1064.375854
	C3205.116943,1059.863770 3196.916504,1059.257324 3187.155518,1061.217773
	C3182.085205,1057.129517 3178.140625,1053.573853 3174.155273,1050.064819
	C3115.151123,998.107178 3047.292725,963.449036 2970.685791,945.830994
	C2944.742676,939.864685 2918.341064,937.245117 2891.885742,933.272827
	C2890.322510,929.212708 2889.413818,925.702087 2887.148193,924.029358
	C2882.964844,920.941040 2877.708984,919.322815 2873.446045,916.317932
	C2871.044189,914.624878 2869.732422,911.385803 2869.662109,908.507202
	C2879.606689,908.011719 2887.819092,907.852295 2897.713623,907.977905
	C2912.398193,909.827881 2925.438965,911.130676 2938.392334,913.030457
	C2951.725342,914.985901 2964.823486,918.783325 2978.404541,919.014038
	C2979.440918,905.769470 2979.440918,905.769470 2973.956055,890.013794
	C2973.117188,884.308777 2972.558105,880.159241 2973.743652,876.007080
	C2983.606445,876.016235 2991.724854,876.028015 3000.359375,877.209717
	C3001.938477,881.570557 3003.001221,884.761475 3004.032959,889.556152
	C3003.825195,901.391296 3007.950928,910.463928 3011.880371,919.529541
	C3014.318604,925.154968 3018.273682,929.646667 3024.370850,931.537720
	C3045.886475,938.210693 3066.567627,946.899841 3086.539795,957.267639
	C3091.726318,959.959961 3096.630859,960.233032 3101.549561,957.102173
	C3110.400879,951.468323 3119.187012,945.731934 3129.258301,939.475281
	C3134.881104,937.838623 3139.245605,936.765076 3143.610352,935.691528
z"/>
<path fill="#6580B4" opacity="1.000000" stroke="none"
	d="
M3155.331299,958.845154
	C3155.331299,958.845154 3155.600342,957.405640 3155.794434,956.699707
	C3162.661865,953.223572 3169.334961,950.453308 3177.335449,947.522827
	C3189.084473,953.209045 3199.421143,959.213928 3209.943848,964.872742
	C3243.303223,982.812683 3276.581787,1000.859497 3308.267334,1021.718750
	C3337.671387,1041.076050 3367.962646,1059.144043 3396.749023,1079.365845
	C3427.104248,1100.689575 3457.440430,1122.165527 3485.241455,1146.953613
	C3498.081787,1158.402710 3511.993652,1168.644531 3525.259766,1179.627075
	C3527.762207,1181.698730 3529.508301,1184.683594 3532.083496,1188.706055
	C3523.992432,1193.447998 3515.421631,1196.730713 3505.294434,1198.715088
	C3502.220215,1190.308105 3496.663330,1186.254272 3491.534912,1182.189087
	C3474.959717,1169.049438 3457.703369,1156.741943 3441.483398,1143.187622
	C3410.969482,1117.688110 3377.477051,1096.317993 3345.353516,1073.073975
	C3325.539062,1058.736450 3304.272461,1046.299927 3283.092773,1033.981934
	C3257.875488,1019.315918 3233.409668,1003.284302 3206.664062,991.288635
	C3194.543457,985.852539 3182.926514,979.303101 3170.965576,973.496887
	C3164.166260,970.196289 3158.509033,965.901733 3155.331299,958.845154
z"/>
<path fill="#384052" opacity="1.000000" stroke="none"
	d="
M2980.557373,819.801270
	C2990.758545,819.156738 2999.844238,822.335388 3009.281738,826.177124
	C3038.110352,837.912537 3067.485840,848.295288 3096.454834,859.697327
	C3113.092285,866.245850 3129.347168,873.765076 3145.788086,880.815247
	C3151.871094,883.423706 3157.989258,885.950012 3164.098389,888.497009
	C3173.302734,892.334473 3182.180176,896.617310 3187.849121,907.002991
	C3180.961670,912.202148 3173.896729,915.974731 3164.210449,919.280701
	C3150.041504,912.628418 3138.876709,905.545471 3126.874512,900.427124
	C3092.283203,885.675720 3057.408691,871.581116 3022.518311,857.543884
	C3013.999023,854.116455 3005.225586,850.691772 2994.582520,851.354309
	C2989.224121,840.231934 2984.890869,830.016602 2980.557373,819.801270
z"/>
<path fill="#2B3343" opacity="1.000000" stroke="none"
	d="
M2995.607910,852.261292
	C3005.225586,850.691772 3013.999023,854.116455 3022.518311,857.543884
	C3057.408691,871.581116 3092.283203,885.675720 3126.874512,900.427124
	C3138.876709,905.545471 3150.041504,912.628418 3162.836182,919.452332
	C3157.717041,924.539978 3151.350586,928.989319 3144.297363,934.565063
	C3139.245605,936.765076 3134.881104,937.838623 3128.623047,938.224365
	C3123.527344,935.248474 3120.609375,932.302490 3117.077393,930.777710
	C3090.874268,919.465332 3064.788330,907.810303 3038.146729,897.619202
	C3027.234375,893.444885 3016.911621,885.785095 3004.063965,887.952454
	C3003.001221,884.761475 3001.938477,881.570557 3000.244141,875.693848
	C2998.277832,866.092468 2996.942871,859.176880 2995.607910,852.261292
z"/>
<path fill="#030710" opacity="1.000000" stroke="none"
	d="
M3188.262451,1061.772095
	C3196.916504,1059.257324 3205.116943,1059.863770 3213.165527,1064.375854
	C3216.516113,1066.254272 3220.597900,1066.828491 3227.136719,1068.697510
	C3239.913574,1080.951050 3249.901367,1092.502808 3260.302490,1105.360107
	C3278.599854,1131.143188 3292.910889,1157.783813 3307.816162,1185.633423
	C3313.423340,1200.591187 3318.729248,1214.139160 3324.314941,1227.571045
	C3329.809570,1240.784424 3331.576172,1255.528931 3339.832031,1267.968384
	C3343.229004,1267.751953 3346.151611,1268.317871 3348.346191,1267.305664
	C3364.495117,1259.856934 3380.498779,1252.092773 3397.962402,1244.210205
	C3410.299072,1238.984619 3421.221436,1233.976807 3433.648926,1228.726318
	C3448.493896,1223.586060 3461.833740,1218.688477 3475.173828,1213.791016
	C3477.462891,1220.814209 3484.987549,1225.497803 3483.300781,1236.405396
	C3473.523438,1243.067871 3464.610596,1247.236206 3454.245605,1251.529785
	C3440.552490,1257.208130 3428.311523,1262.761353 3414.661133,1268.533447
	C3400.490234,1275.032837 3387.729248,1281.313354 3373.549316,1287.751709
	C3345.685547,1299.734863 3345.411133,1298.138062 3348.964355,1329.401855
	C3349.852783,1339.442261 3351.155273,1347.803711 3351.881348,1356.214966
	C3352.554932,1364.017456 3352.612793,1371.873169 3352.656738,1381.567139
	C3352.337402,1399.578003 3352.303223,1415.727173 3352.140137,1433.635376
	C3351.778320,1440.691406 3351.975586,1446.050049 3351.229248,1451.273926
	C3349.088135,1466.261597 3346.486328,1481.182983 3344.252930,1496.158203
	C3343.767822,1499.411743 3343.869141,1502.791748 3344.037842,1506.096313
	C3344.636475,1517.825073 3353.891846,1527.403809 3365.514160,1527.890991
	C3370.771729,1528.111450 3376.107910,1527.585327 3381.347168,1526.918701
	C3399.640869,1524.591553 3417.908447,1522.055054 3438.037598,1519.649658
	C3458.642334,1519.644897 3477.394775,1519.588745 3497.912109,1519.681030
	C3510.622559,1521.001099 3521.555420,1522.317505 3532.519531,1523.280518
	C3537.678955,1523.733521 3542.897949,1523.506836 3549.745850,1523.775635
	C3573.714844,1525.883423 3572.245605,1523.611328 3581.124512,1505.759033
	C3582.565186,1502.862427 3583.183594,1499.557007 3585.189453,1495.462280
	C3591.904053,1481.612549 3597.611328,1468.741089 3603.843262,1454.526367
	C3609.998779,1440.971680 3617.845703,1429.682861 3620.779297,1414.904663
	C3626.406006,1403.869263 3631.119141,1393.896606 3635.832275,1383.924072
	C3639.288574,1385.326904 3642.728027,1386.773071 3646.205811,1388.120483
	C3649.677734,1389.465454 3653.188232,1390.711548 3658.142578,1393.174805
	C3659.469727,1395.867798 3659.336182,1397.387207 3658.192627,1399.924561
	C3652.116455,1412.106201 3646.900635,1423.206299 3642.087646,1434.478271
	C3640.859619,1437.354126 3640.908447,1440.775146 3639.520020,1445.104736
	C3633.611328,1458.634521 3628.552979,1471.005371 3622.461914,1484.333496
	C3605.887207,1516.495728 3604.669434,1519.995850 3604.930908,1533.767090
	C3612.623535,1536.461060 3620.637939,1539.317017 3628.685547,1542.075195
	C3642.997803,1546.980225 3657.330078,1551.825684 3672.636719,1557.655640
	C3689.343506,1566.645996 3705.232178,1574.374023 3720.738770,1582.805176
	C3732.770752,1589.347168 3744.325195,1596.767456 3756.882324,1604.865601
	C3764.510742,1611.069336 3771.679932,1615.824097 3778.120117,1621.417969
	C3792.470459,1633.882202 3808.633789,1644.423950 3819.944336,1660.173340
	C3819.642822,1669.490845 3819.341309,1678.808472 3817.418701,1689.296631
	C3805.749023,1680.750000 3796.091064,1670.587036 3785.589844,1661.386597
	C3709.644531,1594.848877 3621.404053,1556.965088 3520.818604,1547.014648
	C3470.572754,1542.043945 3421.187744,1545.742432 3370.915283,1556.543213
	C3367.513916,1557.331543 3365.335938,1558.349854 3361.933594,1559.444336
	C3359.154053,1560.000854 3357.598633,1560.481323 3354.888672,1560.779053
	C3351.751221,1561.662598 3349.768799,1562.728882 3347.864258,1563.906250
	C3347.942383,1564.017456 3347.840332,1563.776489 3346.297607,1563.670532
	C3333.840088,1566.410767 3322.925537,1569.257080 3311.181641,1571.432617
	C3307.449219,1568.769775 3304.546143,1566.777588 3301.392578,1563.166138
	C3302.289551,1555.357788 3303.332275,1549.146973 3304.613525,1542.985718
	C3305.904053,1536.781250 3307.431396,1530.626099 3309.766602,1523.252441
	C3326.229004,1462.822144 3331.651855,1402.905029 3324.639893,1341.821411
	C3315.963379,1266.238281 3290.922119,1196.905273 3248.307861,1133.867065
	C3230.693604,1107.810791 3209.815918,1084.521973 3188.262451,1061.772095
z"/>
<path fill="#5C75A6" opacity="1.000000" stroke="none"
	d="
M3659.202637,1398.906738
	C3659.336182,1397.387207 3659.469727,1395.867798 3659.581787,1393.203857
	C3662.853027,1384.614624 3666.145752,1377.170166 3670.404297,1368.810547
	C3684.126709,1369.302002 3690.477539,1379.672729 3697.280273,1388.119385
	C3720.074219,1416.420898 3742.576904,1445.010010 3763.913086,1474.416382
	C3782.164551,1499.570923 3798.934326,1525.822021 3815.857422,1551.913696
	C3834.965332,1581.373169 3853.581787,1611.133179 3869.382324,1642.586548
	C3878.905273,1661.543701 3889.544189,1679.937500 3899.362305,1698.751099
	C3902.443848,1704.656372 3906.399414,1708.255005 3914.784180,1708.016846
	C3911.711182,1722.698364 3902.343262,1734.368896 3893.053467,1747.582153
	C3885.952148,1742.334839 3883.582031,1735.127197 3879.253174,1729.561401
	C3874.775391,1723.803589 3870.671387,1717.756836 3866.310303,1711.906006
	C3861.948730,1706.054443 3857.471680,1700.288818 3852.519043,1691.711182
	C3850.201904,1673.938965 3841.665527,1661.983276 3834.844238,1649.065552
	C3818.059082,1617.279053 3798.112793,1587.468994 3779.168213,1557.032471
	C3750.724854,1511.334595 3717.033936,1469.418091 3684.355469,1426.795166
	C3676.762695,1416.892090 3667.627930,1408.171387 3659.202637,1398.906738
z"/>
<path fill="#778296" opacity="1.000000" stroke="none"
	d="
M3455.697510,1251.404541
	C3464.610596,1247.236206 3473.523438,1243.067871 3483.420410,1238.015381
	C3486.109863,1236.919556 3487.814941,1236.708008 3490.959717,1237.927246
	C3494.770264,1247.201172 3498.496338,1253.825317 3506.448242,1257.553345
	C3509.320312,1258.899902 3511.602295,1261.651733 3513.934814,1263.981201
	C3550.902832,1300.898804 3587.834717,1337.852295 3626.016113,1376.038452
	C3628.288574,1376.038452 3632.240479,1376.038452 3636.192383,1376.038452
	C3636.071045,1377.787720 3635.949707,1379.537109 3635.830322,1382.605225
	C3631.119141,1393.896606 3626.406006,1403.869263 3619.402832,1414.766235
	C3611.455811,1414.473877 3608.147217,1410.356812 3605.061523,1405.953369
	C3602.788818,1402.710205 3600.860352,1399.128784 3598.144043,1396.309326
	C3580.686768,1378.189819 3563.484131,1359.856934 3546.467529,1341.312378
	C3524.134033,1316.973877 3498.762939,1295.415649 3474.570557,1272.798218
	C3471.709961,1270.123901 3467.983643,1268.395386 3464.769287,1266.075195
	C3459.750732,1262.453003 3455.942139,1258.012085 3455.697510,1251.404541
z"/>
<path fill="#8590A2" opacity="1.000000" stroke="none"
	d="
M3636.993652,1374.953613
	C3632.240479,1376.038452 3628.288574,1376.038452 3626.016113,1376.038452
	C3587.834717,1337.852295 3550.902832,1300.898804 3513.934814,1263.981201
	C3511.602295,1261.651733 3509.320312,1258.899902 3506.448242,1257.553345
	C3498.496338,1253.825317 3494.770264,1247.201172 3492.248047,1237.982666
	C3501.788330,1232.537842 3511.480225,1228.468384 3522.610352,1225.878418
	C3523.880859,1232.801514 3524.299561,1237.617065 3529.827881,1241.083618
	C3534.238525,1243.849609 3537.862793,1247.941650 3541.624756,1251.659180
	C3575.959473,1285.589478 3610.248047,1319.566406 3644.549805,1353.529785
	C3642.298096,1360.309326 3640.046631,1367.088989 3636.993652,1374.953613
z"/>
<path fill="#939EB2" opacity="1.000000" stroke="none"
	d="
M3645.541504,1352.411743
	C3610.248047,1319.566406 3575.959473,1285.589478 3541.624756,1251.659180
	C3537.862793,1247.941650 3534.238525,1243.849609 3529.827881,1241.083618
	C3524.299561,1237.617065 3523.880859,1232.801514 3524.052246,1225.876465
	C3532.160400,1221.182129 3540.265381,1217.969116 3549.832764,1214.584717
	C3553.184082,1218.554199 3554.133301,1223.623169 3557.136475,1226.663574
	C3566.423340,1236.065430 3575.739258,1245.367554 3586.144531,1253.790649
	C3599.956543,1264.971436 3611.842285,1278.665405 3623.801758,1291.957642
	C3633.067383,1302.255493 3640.726807,1314.074951 3655.448730,1320.182983
	C3653.436035,1330.696777 3649.984375,1340.995239 3645.541504,1352.411743
z"/>
<path fill="#5C75A6" opacity="1.000000" stroke="none"
	d="
M3153.947754,959.266174
	C3158.509033,965.901733 3164.166260,970.196289 3170.965576,973.496887
	C3182.926514,979.303101 3194.543457,985.852539 3206.664062,991.288635
	C3233.409668,1003.284302 3257.875488,1019.315918 3283.092773,1033.981934
	C3304.272461,1046.299927 3325.539062,1058.736450 3345.353516,1073.073975
	C3377.477051,1096.317993 3410.969482,1117.688110 3441.483398,1143.187622
	C3457.703369,1156.741943 3474.959717,1169.049438 3491.534912,1182.189087
	C3496.663330,1186.254272 3502.220215,1190.308105 3503.861328,1198.822754
	C3495.490723,1203.795410 3486.997070,1207.362183 3476.314453,1210.156738
	C3457.930664,1196.771729 3441.772949,1184.111572 3425.531738,1171.559204
	C3409.292236,1159.008057 3393.410889,1145.930542 3376.582764,1134.218628
	C3349.340820,1115.259277 3321.790039,1096.695190 3293.741455,1078.957642
	C3266.829590,1061.939209 3239.250488,1045.956909 3211.687988,1029.996704
	C3202.007324,1024.390869 3192.107178,1018.258362 3179.936279,1020.034180
	C3162.110840,1006.792542 3144.266357,993.575928 3126.520020,980.229187
	C3125.701904,979.614075 3125.762695,977.830444 3125.389893,976.505188
	C3131.875977,966.796997 3143.060303,964.591431 3153.947754,959.266174
z"/>
<path fill="#526997" opacity="1.000000" stroke="none"
	d="
M3180.532227,1021.230469
	C3192.107178,1018.258362 3202.007324,1024.390869 3211.687988,1029.996704
	C3239.250488,1045.956909 3266.829590,1061.939209 3293.741455,1078.957642
	C3321.790039,1096.695190 3349.340820,1115.259277 3376.582764,1134.218628
	C3393.410889,1145.930542 3409.292236,1159.008057 3425.531738,1171.559204
	C3441.772949,1184.111572 3457.930664,1196.771729 3474.942627,1210.372314
	C3475.760254,1211.360107 3475.476807,1212.584351 3475.325195,1213.187744
	C3461.833740,1218.688477 3448.493896,1223.586060 3433.510986,1227.255371
	C3430.476807,1218.109619 3424.272461,1213.532593 3418.769775,1209.125977
	C3399.744385,1193.891235 3380.680664,1178.625000 3360.764648,1164.601685
	C3334.347656,1146.000854 3307.120850,1128.548950 3280.229004,1110.623169
	C3274.079346,1106.523804 3267.631836,1103.261230 3259.888916,1104.054565
	C3249.901367,1092.502808 3239.913574,1080.951050 3228.735840,1068.761963
	C3214.571777,1050.354370 3197.623047,1036.621094 3180.532227,1021.230469
z"/>
<path fill="#061232" opacity="1.000000" stroke="none"
	d="
M2994.582520,851.354309
	C2996.942871,859.176880 2998.277832,866.092468 2999.728027,874.523926
	C2991.724854,876.028015 2983.606445,876.016235 2972.993652,875.448242
	C2969.747803,873.893188 2968.953613,872.930176 2968.125977,870.564270
	C2965.449951,862.085999 2962.763672,855.046570 2959.987305,846.546997
	C2954.863525,833.661865 2949.829834,822.237061 2944.795898,810.812195
	C2944.304932,808.443665 2943.813721,806.075134 2943.127686,802.512817
	C2946.052734,796.341248 2950.708252,795.440002 2955.977539,796.634216
	C2960.201660,797.591675 2964.358398,798.845276 2970.080811,800.030884
	C2974.364014,805.789124 2977.111572,811.483887 2980.208252,818.489929
	C2984.890869,830.016602 2989.224121,840.231934 2994.582520,851.354309
z"/>
<path fill="#6D8AC1" opacity="1.000000" stroke="none"
	d="
M3532.006348,3680.102295
	C3542.054199,3683.157715 3552.101807,3686.213135 3563.142578,3690.242676
	C3562.695557,3694.826416 3562.178467,3699.363525 3559.650391,3701.880859
	C3550.275391,3711.215576 3540.399902,3720.071045 3530.401855,3728.748779
	C3520.907959,3736.989014 3511.003418,3744.753906 3501.318359,3752.774902
	C3471.729980,3777.280273 3441.145752,3800.432129 3409.138672,3821.723145
	C3390.936035,3833.831787 3373.680176,3847.431641 3355.064453,3858.836426
	C3329.075684,3874.758789 3303.882080,3892.006592 3276.619385,3905.893799
	C3261.885986,3913.398682 3248.093018,3922.738525 3233.775635,3931.078857
	C3229.896484,3933.338623 3228.032471,3936.384521 3228.074707,3942.194336
	C3213.783936,3937.895264 3199.511475,3932.162354 3185.460938,3924.657227
	C3188.596680,3920.229980 3191.087891,3916.696289 3194.490967,3915.059082
	C3220.301270,3902.644531 3244.872070,3888.055664 3269.373291,3873.311035
	C3288.712402,3861.672607 3308.603760,3850.896973 3327.495117,3838.580811
	C3359.189697,3817.917725 3390.696045,3796.911865 3421.488770,3774.939209
	C3443.045654,3759.557129 3463.288086,3742.332275 3484.107666,3725.918457
	C3496.068359,3716.488281 3508.155762,3707.209717 3519.893799,3697.509521
	C3525.436768,3692.929199 3531.825684,3688.573486 3532.006348,3680.102295
z"/>
<path fill="#6E8BC2" opacity="1.000000" stroke="none"
	d="
M3694.153809,3563.885742
	C3689.414795,3554.480469 3685.995605,3544.901855 3683.834473,3533.680420
	C3693.150146,3530.863037 3697.467285,3524.676758 3702.110596,3519.081055
	C3704.639648,3516.032959 3706.125000,3512.014404 3708.931396,3509.318604
	C3724.339355,3494.518555 3736.830566,3477.305908 3749.543701,3460.330078
	C3771.799561,3430.612061 3794.580811,3401.207764 3815.255615,3370.406006
	C3839.623779,3334.101807 3863.699463,3297.511230 3884.469482,3258.921143
	C3892.345215,3244.288086 3900.842773,3229.970947 3908.217285,3215.093506
	C3913.564453,3204.305664 3919.476807,3194.216797 3928.804688,3186.424316
	C3933.931885,3197.927979 3939.058838,3209.431641 3944.220703,3222.412598
	C3936.153564,3223.909424 3933.301270,3229.874512 3929.985107,3235.857178
	C3919.067139,3255.554199 3907.553467,3274.922607 3896.762207,3294.686768
	C3876.415039,3331.952148 3852.230957,3366.755615 3828.129639,3401.570557
	C3807.815918,3430.914551 3787.695557,3460.591309 3764.876221,3487.940430
	C3745.843018,3510.751953 3729.237305,3535.850342 3706.472656,3555.466064
	C3703.009277,3558.450684 3699.149902,3560.975098 3694.153809,3563.885742
z"/>
<path fill="#060D1F" opacity="1.000000" stroke="none"
	d="
M2999.885498,3991.972168
	C2991.802246,3991.979980 2983.718750,3991.988037 2973.841309,3990.664551
	C2972.079590,3987.561523 2972.111816,3985.790039 2973.132080,3982.884277
	C2975.553955,3972.300537 2980.829834,3963.353516 2978.776611,3953.775391
	C2976.680908,3952.767334 2975.457275,3951.618408 2974.383789,3951.744629
	C2946.979736,3954.972412 2919.591064,3958.333984 2890.555664,3961.292969
	C2871.234131,3962.125000 2853.564209,3962.955566 2836.263916,3958.454590
	C2838.408936,3955.465576 2840.019775,3953.201660 2842.151367,3952.482910
	C2851.848877,3949.213623 2861.725098,3946.479736 2871.467529,3943.336670
	C2875.057373,3942.178223 2875.613281,3938.822510 2877.371094,3934.829102
	C2907.323486,3932.623291 2935.675293,3930.402344 2963.715088,3924.459473
	C3050.258057,3906.118164 3125.753174,3867.179443 3189.099121,3805.132812
	C3192.858154,3801.451172 3196.984375,3798.144775 3202.611816,3794.968506
	C3209.029297,3796.101074 3213.234863,3795.196289 3217.411133,3792.505615
	C3225.232178,3787.466797 3233.789307,3784.195068 3242.829102,3785.120117
	C3233.861328,3795.602051 3225.447266,3804.972412 3216.752930,3814.075439
	C3207.168213,3824.111328 3197.326660,3833.902100 3186.388672,3844.364258
	C3175.304443,3852.576172 3165.346680,3860.120117 3155.575684,3867.898682
	C3145.478760,3875.937500 3133.068359,3881.022217 3124.300537,3891.261719
	C3125.658447,3893.616455 3126.207764,3895.843262 3127.617920,3896.798096
	C3134.490479,3901.450439 3141.480469,3905.960693 3148.686768,3910.069336
	C3150.724121,3911.230957 3153.630859,3910.868408 3157.103760,3911.986816
	C3161.424805,3915.084961 3164.780762,3917.401367 3168.136963,3919.717773
	C3168.277832,3929.174561 3160.529297,3931.519043 3151.579346,3935.517090
	C3141.969482,3933.237305 3134.997314,3930.599121 3127.246094,3926.849121
	C3119.719727,3921.507812 3112.914307,3917.367432 3106.239014,3913.027100
	C3096.867188,3906.933350 3087.972168,3907.481445 3078.085449,3912.719971
	C3065.792969,3919.232910 3053.229736,3926.303955 3039.909668,3929.574707
	C3015.708984,3935.516602 3006.936279,3951.969238 3004.075684,3974.072998
	C3003.821533,3976.035400 3004.072998,3978.063232 3003.579590,3981.230957
	C3002.008057,3985.591309 3000.946777,3988.781738 2999.885498,3991.972168
z"/>
<path fill="#6580B4" opacity="1.000000" stroke="none"
	d="
M3169.466309,3919.853516
	C3164.780762,3917.401367 3161.424805,3915.084961 3157.336426,3910.687500
	C3162.817627,3900.394043 3171.769287,3896.063232 3180.676514,3891.700684
	C3210.533447,3877.077637 3239.572754,3861.015869 3268.243896,3844.150391
	C3311.749023,3818.557861 3354.115723,3791.270264 3395.169189,3761.968506
	C3410.249512,3751.204834 3423.770508,3738.238525 3438.959229,3727.649170
	C3453.175537,3717.738037 3466.817139,3707.449707 3479.282471,3695.338623
	C3488.257080,3686.618408 3498.747803,3679.458496 3508.562256,3671.602539
	C3515.629395,3673.883057 3522.696289,3676.163574 3530.884766,3679.273193
	C3531.825684,3688.573486 3525.436768,3692.929199 3519.893799,3697.509521
	C3508.155762,3707.209717 3496.068359,3716.488281 3484.107666,3725.918457
	C3463.288086,3742.332275 3443.045654,3759.557129 3421.488770,3774.939209
	C3390.696045,3796.911865 3359.189697,3817.917725 3327.495117,3838.580811
	C3308.603760,3850.896973 3288.712402,3861.672607 3269.373291,3873.311035
	C3244.872070,3888.055664 3220.301270,3902.644531 3194.490967,3915.059082
	C3191.087891,3916.696289 3188.596680,3920.229980 3184.476074,3923.630371
	C3179.111328,3922.913574 3174.953613,3921.451416 3169.466309,3919.853516
z"/>
<path fill="#384052" opacity="1.000000" stroke="none"
	d="
M2981.616211,4052.003418
	C2984.515625,4040.523682 2989.028809,4029.047119 2996.185547,4016.733643
	C3007.017822,4013.359863 3015.380615,4011.273926 3023.358643,4008.192139
	C3039.433105,4001.982666 3055.025146,3994.430908 3071.308105,3988.873047
	C3103.466553,3977.896240 3133.857422,3963.116943 3164.093506,3947.895264
	C3172.824463,3951.218018 3181.555664,3954.540527 3191.143311,3958.939941
	C3191.917725,3966.024170 3188.711182,3969.733887 3183.465576,3972.256592
	C3174.509033,3976.563477 3165.855225,3981.549316 3156.735352,3985.459229
	C3122.739014,4000.033691 3088.734619,4014.606445 3054.470947,4028.533936
	C3035.515381,4036.239258 3016.086182,4042.796387 2996.760498,4049.557373
	C2992.487793,4051.052246 2987.752441,4051.224854 2981.616211,4052.003418
z"/>
<path fill="#2B3343" opacity="1.000000" stroke="none"
	d="
M3163.390381,3946.887207
	C3133.857422,3963.116943 3103.466553,3977.896240 3071.308105,3988.873047
	C3055.025146,3994.430908 3039.433105,4001.982666 3023.358643,4008.192139
	C3015.380615,4011.273926 3007.017822,4013.359863 2997.240234,4015.822510
	C2996.981445,4008.833252 2998.311523,4001.917725 2999.763672,3993.487305
	C3000.946777,3988.781738 3002.008057,3985.591309 3005.055176,3981.047119
	C3033.319824,3969.458496 3059.905518,3959.929688 3085.757324,3948.710205
	C3100.097412,3942.486572 3114.866211,3936.754150 3128.025146,3927.960938
	C3134.997314,3930.599121 3141.969482,3933.237305 3150.319824,3936.101562
	C3155.361328,3939.511719 3159.024170,3942.695557 3163.390381,3946.887207
z"/>
<path fill="#384052" opacity="1.000000" stroke="none"
	d="
M4024.373047,2984.601318
	C4033.588379,2985.109375 4041.612793,2981.486084 4050.889648,2977.000488
	C4052.479004,2985.359619 4051.338623,2993.790771 4048.076416,3002.007080
	C4034.365723,3036.540527 4021.100342,3071.252686 4007.147461,3105.687012
	C3998.925293,3125.977051 3989.807861,3145.907715 3980.912842,3165.919922
	C3977.409668,3173.801514 3974.113037,3181.952637 3965.027344,3187.468262
	C3954.954102,3178.699219 3953.976074,3165.655029 3949.162598,3152.879883
	C3951.613281,3149.426758 3953.563477,3148.265625 3954.309814,3146.573242
	C3967.656250,3116.309814 3981.495605,3086.239502 3993.866211,3055.577881
	C4002.270996,3034.745850 4008.573486,3013.065430 4016.501465,2990.859375
	C4019.582031,2988.170166 4021.977539,2986.385742 4024.373047,2984.601318
z"/>
<path fill="#060D1F" opacity="1.000000" stroke="none"
	d="
M4024.270996,2982.975586
	C4021.977539,2986.385742 4019.582031,2988.170166 4014.945312,2990.912598
	C4000.325195,2995.533936 3986.877930,2995.912354 3974.309082,3003.874023
	C3952.252930,3004.240723 3939.491699,3013.555664 3934.449219,3034.185303
	C3931.971680,3044.321777 3926.567139,3053.766113 3922.268311,3063.426025
	C3919.575439,3069.477295 3916.211182,3075.235596 3913.635254,3081.331299
	C3911.234863,3087.012939 3910.778809,3093.262939 3913.862305,3098.663086
	C3918.083740,3106.055908 3923.242676,3112.913086 3928.521973,3121.247803
	C3931.390869,3128.293701 3933.737793,3134.091797 3936.084961,3139.889893
	C3928.966064,3143.596924 3927.844971,3153.816895 3916.630615,3154.885254
	C3909.017578,3145.827393 3903.948242,3137.390869 3898.385986,3129.292480
	C3896.801270,3126.985107 3893.785156,3125.660889 3890.970947,3123.543701
	C3878.512207,3141.252686 3866.851074,3157.827881 3854.057861,3175.194092
	C3844.024658,3185.887207 3835.594971,3196.270752 3826.098877,3205.564941
	C3815.222168,3216.210205 3803.398926,3225.888428 3791.985352,3234.440186
	C3791.336670,3226.126953 3793.401611,3219.947998 3796.879639,3214.397461
	C3800.221191,3209.064453 3798.402344,3204.530762 3796.474609,3198.584717
	C3810.367920,3182.634033 3824.622559,3168.603516 3836.983887,3153.066162
	C3897.385986,3077.143311 3931.302734,2990.795410 3936.936279,2893.704102
	C3937.819824,2878.478027 3937.726074,2863.195312 3939.464844,2847.859375
	C3942.938232,2846.635986 3946.085938,2845.998535 3946.923828,2844.252686
	C3949.358887,2839.178711 3950.345215,2833.381836 3952.977295,2828.443115
	C3954.156250,2826.230957 3957.905273,2825.388428 3961.370117,2825.302734
	C3962.674561,2831.299316 3963.539795,2835.927002 3963.444336,2840.534668
	C3962.921875,2865.740234 3962.163574,2890.941162 3961.062988,2917.839355
	C3960.327881,2939.190430 3952.529297,2958.013428 3952.895020,2978.794678
	C3966.088867,2977.708008 3977.404785,2974.697998 3989.985840,2970.054199
	C4001.028076,2966.489502 4010.509521,2963.213379 4021.321045,2959.950195
	C4024.414062,2959.784668 4026.177490,2959.606201 4027.940918,2959.427490
	C4026.683838,2966.735107 4025.426514,2974.042480 4024.270996,2982.975586
z"/>
<path fill="#5C75A6" opacity="1.000000" stroke="none"
	d="
M3855.189941,3174.403076
	C3866.851074,3157.827881 3878.512207,3141.252686 3890.970947,3123.543701
	C3893.785156,3125.660889 3896.801270,3126.985107 3898.385986,3129.292480
	C3903.948242,3137.390869 3909.017578,3145.827393 3915.300049,3155.021240
	C3916.250977,3156.593506 3916.176270,3157.280273 3914.593262,3159.149658
	C3910.456543,3162.192383 3907.010010,3163.510742 3905.351807,3166.014160
	C3900.230225,3173.746094 3895.553711,3181.802002 3891.132080,3189.963623
	C3879.737061,3210.997803 3868.812256,3232.289795 3857.225586,3253.216553
	C3850.161621,3265.974365 3842.003662,3278.121338 3834.710938,3290.758545
	C3812.460449,3329.314453 3787.314209,3365.927002 3760.562500,3401.449463
	C3739.853271,3428.947998 3719.208496,3456.514893 3697.677002,3483.363281
	C3690.884521,3491.833252 3684.650391,3502.307861 3671.961182,3503.996094
	C3667.986084,3494.335449 3664.010742,3484.675049 3661.100586,3472.987549
	C3666.347168,3466.744629 3670.922119,3462.845459 3674.626221,3458.244873
	C3682.060547,3449.012207 3688.509521,3438.952637 3696.274170,3430.025146
	C3717.116943,3406.061768 3735.025391,3379.922363 3752.969727,3353.865234
	C3779.951904,3314.684326 3806.674805,3275.288818 3829.463623,3233.422852
	C3837.050781,3219.484131 3844.575684,3205.510986 3852.206055,3191.595703
	C3855.181152,3186.169922 3856.624756,3180.556152 3855.189941,3174.403076
z"/>
<path fill="#6580B4" opacity="1.000000" stroke="none"
	d="
M3672.053711,3505.423340
	C3684.650391,3502.307861 3690.884521,3491.833252 3697.677002,3483.363281
	C3719.208496,3456.514893 3739.853271,3428.947998 3760.562500,3401.449463
	C3787.314209,3365.927002 3812.460449,3329.314453 3834.710938,3290.758545
	C3842.003662,3278.121338 3850.161621,3265.974365 3857.225586,3253.216553
	C3868.812256,3232.289795 3879.737061,3210.997803 3891.132080,3189.963623
	C3895.553711,3181.802002 3900.230225,3173.746094 3905.351807,3166.014160
	C3907.010010,3163.510742 3910.456543,3162.192383 3914.472168,3160.178955
	C3920.092773,3167.947754 3924.325928,3175.869629 3928.681885,3185.107910
	C3919.476807,3194.216797 3913.564453,3204.305664 3908.217285,3215.093506
	C3900.842773,3229.970947 3892.345215,3244.288086 3884.469482,3258.921143
	C3863.699463,3297.511230 3839.623779,3334.101807 3815.255615,3370.406006
	C3794.580811,3401.207764 3771.799561,3430.612061 3749.543701,3460.330078
	C3736.830566,3477.305908 3724.339355,3494.518555 3708.931396,3509.318604
	C3706.125000,3512.014404 3704.639648,3516.032959 3702.110596,3519.081055
	C3697.467285,3524.676758 3693.150146,3530.863037 3683.522705,3532.164551
	C3678.684082,3523.811035 3675.415283,3515.330811 3672.053711,3505.423340
z"/>
<path fill="#242D40" opacity="1.000000" stroke="none"
	d="
M3937.083984,3140.594238
	C3933.737793,3134.091797 3931.390869,3128.293701 3929.757812,3120.616699
	C3933.666504,3113.793457 3937.648682,3109.185059 3939.922119,3103.848389
	C3950.783936,3078.351807 3961.295654,3052.703125 3971.672363,3027.003662
	C3974.636230,3019.663086 3977.047852,3012.028320 3975.887695,3003.844971
	C3986.877930,2995.912354 4000.325195,2995.533936 4014.260254,2991.817627
	C4008.573486,3013.065430 4002.270996,3034.745850 3993.866211,3055.577881
	C3981.495605,3086.239502 3967.656250,3116.309814 3954.309814,3146.573242
	C3953.563477,3148.265625 3951.613281,3149.426758 3948.910156,3151.438965
	C3944.425537,3148.461670 3941.254150,3144.880371 3937.083984,3140.594238
z"/>
<path fill="#9CA8BC" opacity="1.000000" stroke="none"
	d="
M3575.989258,3662.573730
	C3565.916748,3660.941162 3555.847900,3657.771240 3544.914307,3652.245117
	C3545.338135,3642.779785 3551.128662,3638.969482 3555.691895,3634.371094
	C3577.976318,3611.915527 3600.395508,3589.593506 3622.771729,3567.229004
	C3628.831787,3561.171875 3635.021240,3555.239746 3640.939209,3549.047119
	C3644.967041,3544.832031 3649.826416,3543.720947 3655.315186,3544.104004
	C3658.415283,3552.331543 3661.515137,3560.559326 3664.613037,3570.266113
	C3658.474854,3571.685547 3652.727539,3572.615967 3648.402832,3577.631836
	C3642.810303,3584.118408 3637.396729,3590.785645 3631.451172,3596.935547
	C3621.367676,3607.365723 3611.047852,3617.576416 3600.591064,3627.633545
	C3594.898438,3633.108887 3588.773438,3638.142334 3582.744385,3643.258789
	C3577.183350,3647.977783 3575.369141,3654.019287 3575.989258,3662.573730
z"/>
<path fill="#04060F" opacity="1.000000" stroke="none"
	d="
M3795.962891,3199.810059
	C3798.402344,3204.530762 3800.221191,3209.064453 3796.879639,3214.397461
	C3793.401611,3219.947998 3791.336670,3226.126953 3791.322510,3235.593750
	C3778.939941,3247.859619 3767.218506,3257.425293 3754.143311,3267.353271
	C3737.803711,3276.069580 3724.698242,3287.749756 3707.011475,3292.941895
	C3704.739258,3293.500488 3704.081299,3294.560059 3703.069336,3296.411377
	C3701.371094,3296.937500 3700.669434,3297.071289 3699.021973,3297.069580
	C3696.785645,3297.575928 3696.157959,3298.617676 3695.162109,3300.449219
	C3693.408447,3300.969971 3692.685303,3301.101074 3691.016602,3301.083008
	C3688.780518,3301.567871 3688.135498,3302.604492 3687.118408,3304.403320
	C3685.391602,3304.885010 3684.682129,3305.006104 3683.010254,3305.000977
	C3680.754639,3305.517822 3680.077637,3306.561035 3680.008057,3308.001953
	C3680.000000,3308.000000 3680.008301,3308.016357 3678.685791,3308.556641
	C3652.977539,3318.750977 3628.591797,3328.404785 3604.694336,3337.865479
	C3605.310059,3352.527344 3607.801270,3358.907471 3623.985596,3389.496094
	C3630.619873,3404.867676 3637.033203,3418.801025 3643.608398,3434.193359
	C3648.043213,3447.713867 3652.316406,3459.775635 3656.589355,3471.837646
	C3649.499023,3474.514160 3642.408936,3477.190674 3633.016113,3479.421631
	C3629.724121,3478.119629 3628.953125,3477.098145 3628.549316,3474.434082
	C3624.463867,3463.304199 3620.229980,3453.652100 3615.923096,3442.574951
	C3611.052979,3431.163086 3606.255859,3421.176270 3601.242920,3409.733398
	C3595.584473,3394.716309 3590.897461,3380.750000 3580.595459,3368.462402
	C3580.472412,3365.785400 3580.394531,3364.435547 3579.885742,3363.274658
	C3570.087158,3340.920654 3568.618164,3342.184082 3546.196777,3347.786865
	C3525.674072,3349.294678 3506.918213,3350.877197 3486.287109,3352.272461
	C3464.284912,3351.944092 3444.157715,3351.803223 3422.877930,3350.589355
	C3408.680664,3347.683350 3395.652100,3345.727539 3382.587402,3344.051270
	C3369.135986,3342.324707 3356.143555,3337.150635 3341.778809,3337.568115
	C3339.571533,3344.245361 3339.569580,3350.149170 3340.815674,3355.977783
	C3344.545898,3373.424316 3348.126953,3390.847900 3348.445068,3408.817383
	C3348.511719,3412.578613 3350.816895,3416.300049 3352.072754,3421.907715
	C3352.425781,3445.282227 3352.796143,3466.788818 3352.922852,3490.089844
	C3351.415283,3509.326172 3350.151367,3526.768066 3348.585693,3545.890381
	C3347.995361,3551.476318 3347.804199,3555.391846 3347.396973,3559.284668
	C3346.616943,3566.744385 3349.774902,3571.816650 3356.504150,3574.843262
	C3363.028809,3577.777832 3369.550537,3580.719482 3377.251465,3584.417480
	C3389.631836,3590.081543 3400.834229,3594.986084 3413.010498,3600.845459
	C3423.411865,3605.411865 3432.838867,3609.023193 3443.322754,3613.645996
	C3454.953857,3618.924072 3465.528564,3623.190674 3477.206787,3628.165283
	C3482.897705,3631.224121 3487.484619,3633.574951 3492.071777,3635.925781
	C3494.151855,3644.618652 3486.743164,3649.804199 3482.799561,3658.127686
	C3476.866943,3658.120117 3472.475586,3656.825439 3467.141602,3654.510254
	C3453.690674,3648.810303 3441.182617,3644.130615 3427.704102,3638.421875
	C3412.519043,3631.470947 3398.304443,3625.549072 3383.201904,3618.568359
	C3369.176025,3611.685059 3356.037842,3605.860840 3342.004883,3599.640137
	C3338.975830,3604.384521 3335.782715,3607.836426 3334.344482,3611.908447
	C3328.219971,3629.249023 3322.614990,3646.772705 3316.289551,3665.574707
	C3302.945068,3696.868652 3286.132080,3724.624023 3268.108398,3753.234619
	C3259.236816,3764.143311 3251.248291,3774.017090 3243.259766,3783.890869
	C3233.789307,3784.195068 3225.232178,3787.466797 3217.411133,3792.505615
	C3213.234863,3795.196289 3209.029297,3796.101074 3203.281250,3793.716797
	C3215.243652,3776.142822 3228.986084,3760.687744 3241.041992,3744.013428
	C3301.939209,3659.786621 3331.576416,3565.774170 3327.555176,3461.622070
	C3326.940430,3445.697266 3325.709717,3429.718506 3323.451660,3413.952393
	C3319.877197,3388.996582 3316.403320,3363.937012 3307.759277,3338.548828
	C3305.942383,3330.159668 3303.673340,3323.358398 3302.049316,3316.406494
	C3299.077393,3303.685303 3308.363770,3295.265625 3321.354980,3298.544922
	C3328.854004,3300.437744 3336.397705,3302.153564 3345.246582,3304.710449
	C3374.010742,3313.708984 3402.093018,3318.367920 3430.541260,3321.512939
	C3471.799072,3326.074219 3512.752686,3324.224121 3553.673584,3317.959229
	C3580.007080,3313.927734 3605.440186,3306.370361 3632.048584,3299.453613
	C3634.113770,3298.749268 3635.142334,3297.884277 3637.544678,3296.443848
	C3695.702393,3274.871582 3746.468262,3244.019043 3791.065186,3203.039062
	C3792.486816,3201.732910 3794.321045,3200.876221 3795.962891,3199.810059
z"/>
<path fill="#516895" opacity="1.000000" stroke="none"
	d="
M3755.497070,3266.991211
	C3767.218506,3257.425293 3778.939941,3247.859619 3791.324219,3237.140137
	C3803.398926,3225.888428 3815.222168,3216.210205 3826.098877,3205.564941
	C3835.594971,3196.270752 3844.024658,3185.887207 3854.057861,3175.194092
	C3856.624756,3180.556152 3855.181152,3186.169922 3852.206055,3191.595703
	C3844.575684,3205.510986 3837.050781,3219.484131 3829.463623,3233.422852
	C3806.674805,3275.288818 3779.951904,3314.684326 3752.969727,3353.865234
	C3735.025391,3379.922363 3717.116943,3406.061768 3696.274170,3430.025146
	C3688.509521,3438.952637 3682.060547,3449.012207 3674.626221,3458.244873
	C3670.922119,3462.845459 3666.347168,3466.744629 3660.923340,3471.545410
	C3659.680420,3472.129883 3658.135254,3471.968018 3657.362305,3471.902832
	C3652.316406,3459.775635 3648.043213,3447.713867 3644.273438,3432.941895
	C3658.793945,3416.146240 3669.915771,3399.731934 3681.971924,3384.064453
	C3705.703369,3353.223877 3727.543701,3321.042725 3749.917236,3289.231689
	C3754.986084,3282.024414 3756.518555,3275.129150 3755.497070,3266.991211
z"/>
<path fill="#808B9E" opacity="1.000000" stroke="none"
	d="
M3628.400879,3475.912109
	C3628.953125,3477.098145 3629.724121,3478.119629 3631.571777,3479.419434
	C3635.146729,3487.720947 3637.864014,3495.578857 3639.976562,3506.162109
	C3632.920898,3514.584229 3626.165771,3519.974365 3620.070557,3526.028809
	C3587.522705,3558.360596 3555.177490,3590.895996 3522.660645,3623.258789
	C3517.545410,3628.349609 3513.240967,3634.628418 3505.625488,3636.584717
	C3502.028564,3636.353760 3498.431885,3636.122559 3493.453369,3635.908691
	C3487.484619,3633.574951 3482.897705,3631.224121 3477.352539,3626.830078
	C3479.512939,3620.606934 3482.098633,3615.856445 3485.848145,3612.351318
	C3497.908936,3601.077148 3510.716309,3590.593750 3522.643799,3579.186768
	C3537.985840,3564.513428 3552.854248,3549.338623 3567.735107,3534.191895
	C3577.455078,3524.298584 3587.477051,3514.819824 3595.583740,3503.245605
	C3601.953369,3494.151611 3611.031250,3486.878418 3619.339111,3479.269531
	C3621.539062,3477.254150 3625.336914,3476.983643 3628.400879,3475.912109
z"/>
<path fill="#8D98AB" opacity="1.000000" stroke="none"
	d="
M3506.427979,3637.882324
	C3513.240967,3634.628418 3517.545410,3628.349609 3522.660645,3623.258789
	C3555.177490,3590.895996 3587.522705,3558.360596 3620.070557,3526.028809
	C3626.165771,3519.974365 3632.920898,3514.584229 3639.993652,3507.555176
	C3645.478516,3517.888672 3650.341309,3529.554199 3655.259766,3542.662109
	C3649.826416,3543.720947 3644.967041,3544.832031 3640.939209,3549.047119
	C3635.021240,3555.239746 3628.831787,3561.171875 3622.771729,3567.229004
	C3600.395508,3589.593506 3577.976318,3611.915527 3555.691895,3634.371094
	C3551.128662,3638.969482 3545.338135,3642.779785 3543.846191,3651.319336
	C3531.505371,3648.226562 3519.367920,3643.703125 3506.427979,3637.882324
z"/>
<path fill="#5B73A4" opacity="1.000000" stroke="none"
	d="
M3468.084229,3655.530518
	C3472.475586,3656.825439 3476.866943,3658.120117 3482.629639,3659.534424
	C3491.525146,3662.984863 3499.049561,3666.315674 3507.567871,3670.624512
	C3498.747803,3679.458496 3488.257080,3686.618408 3479.282471,3695.338623
	C3466.817139,3707.449707 3453.175537,3717.738037 3438.959229,3727.649170
	C3423.770508,3738.238525 3410.249512,3751.204834 3395.169189,3761.968506
	C3354.115723,3791.270264 3311.749023,3818.557861 3268.243896,3844.150391
	C3239.572754,3861.015869 3210.533447,3877.077637 3180.676514,3891.700684
	C3171.769287,3896.063232 3162.817627,3900.394043 3156.371582,3909.905518
	C3153.630859,3910.868408 3150.724121,3911.230957 3148.686768,3910.069336
	C3141.480469,3905.960693 3134.490479,3901.450439 3127.617920,3896.798096
	C3126.207764,3895.843262 3125.658447,3893.616455 3124.300537,3891.261719
	C3133.068359,3881.022217 3145.478760,3875.937500 3155.575684,3867.898682
	C3165.346680,3860.120117 3175.304443,3852.576172 3187.993408,3844.439453
	C3197.736816,3844.716064 3203.912109,3842.405273 3209.782471,3839.115234
	C3219.024658,3833.935059 3228.287109,3828.782227 3237.381592,3823.351318
	C3264.093262,3807.398926 3291.222168,3792.073975 3317.257080,3775.078369
	C3345.495605,3756.644287 3372.975098,3737.001953 3400.236084,3717.132568
	C3419.442627,3703.133545 3437.834717,3688.003174 3456.370605,3673.104980
	C3461.982666,3668.593994 3468.070068,3663.968750 3468.084229,3655.530518
z"/>
<path fill="#5B6477" opacity="1.000000" stroke="none"
	d="
M4132.870117,2935.665039
	C4132.703125,2934.892822 4133.360352,2933.793213 4135.020508,2932.714600
	C4135.517578,2933.845459 4134.741211,2934.712891 4132.870117,2935.665039
z"/>
<path fill="#6C88BF" opacity="1.000000" stroke="none"
	d="
M1180.834473,1311.824219
	C1187.288940,1325.408936 1192.161621,1339.087769 1195.808716,1354.410156
	C1191.754761,1357.614136 1187.990234,1358.483643 1186.246460,1360.845215
	C1172.867432,1378.964722 1157.634399,1395.580444 1143.734863,1413.290405
	C1122.849609,1439.901123 1102.913330,1467.149902 1083.620117,1494.848267
	C1066.188477,1519.874268 1050.299683,1545.978882 1033.858765,1571.689697
	C1010.595703,1608.069458 989.335693,1645.605469 970.033630,1684.223389
	C966.126099,1692.041138 961.363586,1698.991455 955.435791,1705.271851
	C947.437317,1688.614624 939.438843,1671.957397 931.372620,1653.809204
	C934.815674,1650.692749 939.385742,1649.946411 941.616272,1647.258423
	C946.237183,1641.690186 949.956360,1635.276611 953.446777,1628.883301
	C973.799438,1591.604126 994.834106,1554.799683 1017.793457,1518.977783
	C1042.122070,1481.019165 1068.175537,1444.326904 1094.828979,1408.089478
	C1113.628296,1382.530151 1135.152344,1358.977783 1155.366943,1334.452637
	C1157.883789,1331.399048 1159.550415,1327.639282 1162.098633,1324.618164
	C1166.777954,1319.070435 1171.136719,1312.898438 1180.834473,1311.824219
z"/>
<path fill="#5E77A9" opacity="1.000000" stroke="none"
	d="
M1707.069092,951.719971
	C1720.571777,961.194336 1736.068848,966.347839 1748.299683,978.741760
	C1745.237671,981.643433 1742.809204,984.475159 1739.882080,986.629456
	C1724.999390,997.583313 1709.987427,1008.361694 1692.189209,1019.643799
	C1681.634888,1019.074829 1674.958496,1022.121277 1668.554443,1025.755005
	C1646.617432,1038.202393 1624.538452,1050.422485 1602.945801,1063.445923
	C1589.353149,1071.644287 1576.593262,1081.214600 1563.345703,1089.997192
	C1553.421875,1096.576416 1543.129517,1102.610718 1533.328247,1109.362549
	C1510.415894,1125.145996 1487.361450,1140.757446 1465.008301,1157.307983
	C1445.871216,1171.477295 1427.546997,1186.754272 1409.062866,1201.786743
	C1405.545654,1204.647095 1402.960693,1208.653442 1399.945557,1212.131104
	C1386.080933,1207.170532 1372.216309,1202.210083 1357.144775,1196.397949
	C1357.265015,1192.601807 1357.796875,1188.662964 1360.042358,1186.866577
	C1382.276245,1169.079956 1405.427246,1152.389526 1427.057007,1133.911865
	C1449.817627,1114.468384 1474.656250,1097.934692 1498.453125,1079.961304
	C1509.009766,1071.987915 1520.887085,1065.788086 1531.911377,1058.404663
	C1578.861450,1026.959717 1627.065308,997.679932 1677.942383,972.950623
	C1687.436401,968.335938 1697.238892,964.095947 1703.715088,953.540710
	C1704.618042,952.078064 1705.317017,951.966309 1707.069092,951.719971
z"/>
<path fill="#2B3343" opacity="1.000000" stroke="none"
	d="
M1716.939575,924.336060
	C1716.089478,918.199585 1720.074097,915.792114 1724.402100,913.818787
	C1743.094604,905.296570 1761.697144,896.561279 1780.563477,888.440430
	C1800.623413,879.805603 1820.818848,871.451416 1841.199097,863.608398
	C1852.885864,859.110901 1865.057495,855.872864 1878.589600,852.078796
	C1876.861206,864.753906 1873.553955,877.418152 1867.581177,891.055115
	C1860.391479,892.827515 1855.605103,892.938782 1851.388306,894.544861
	C1832.187988,901.857422 1812.776733,908.789917 1794.164673,917.419434
	C1778.593506,924.639038 1762.190063,930.342896 1747.891968,940.199280
	C1744.440918,938.713257 1741.020264,937.150330 1737.530151,935.762756
	C1734.044189,934.376770 1730.488281,933.166382 1725.523804,931.726074
	C1722.042969,929.345947 1720.001465,927.118774 1716.939575,924.336060
z"/>
<path fill="#384052" opacity="1.000000" stroke="none"
	d="
M855.973083,1875.963135
	C846.310303,1879.932373 836.647522,1883.901489 825.542114,1888.017578
	C822.674744,1879.232422 825.989014,1871.077515 828.881714,1863.069946
	C836.289429,1842.563965 843.668274,1822.010254 852.157532,1801.940552
	C865.523071,1770.342896 879.811890,1739.136353 893.653198,1707.739136
	C896.048157,1702.306641 897.580322,1696.396484 900.625305,1691.383789
	C902.476624,1688.336060 906.464050,1686.585693 910.967346,1684.117920
	C917.523682,1693.711182 922.604492,1703.439209 926.469849,1714.783447
	C918.712402,1720.216064 915.121277,1726.435547 912.288391,1733.045288
	C902.711853,1755.390015 892.940491,1777.664062 883.994385,1800.262451
	C874.091919,1825.277222 862.378174,1849.646851 855.973083,1875.963135
z"/>
<path fill="#5E77A9" opacity="1.000000" stroke="none"
	d="
M955.597351,1706.551270
	C961.363586,1698.991455 966.126099,1692.041138 970.033630,1684.223389
	C989.335693,1645.605469 1010.595703,1608.069458 1033.858765,1571.689697
	C1050.299683,1545.978882 1066.188477,1519.874268 1083.620117,1494.848267
	C1102.913330,1467.149902 1122.849609,1439.901123 1143.734863,1413.290405
	C1157.634399,1395.580444 1172.867432,1378.964722 1186.246460,1360.845215
	C1187.990234,1358.483643 1191.754761,1357.614136 1196.112305,1355.933350
	C1202.441772,1368.031982 1207.242065,1380.250854 1211.587891,1395.166992
	C1200.998413,1410.907959 1191.223755,1424.251831 1180.656128,1436.935181
	C1155.642700,1466.956543 1133.393555,1499.005493 1111.280762,1531.127075
	C1095.519531,1554.022339 1080.254639,1577.312012 1065.902832,1601.109863
	C1051.541626,1624.922974 1038.555298,1649.566772 1025.045166,1673.890259
	C1021.798523,1679.735352 1019.013123,1685.789917 1019.862549,1694.018555
	C1012.930603,1703.695679 1006.697510,1712.276611 1000.160583,1720.619385
	C993.730652,1728.825439 989.625977,1738.927368 979.966064,1746.162964
	C977.343140,1743.975220 974.427490,1742.421509 972.783997,1740.003174
	C968.355530,1733.487183 964.469482,1726.602417 960.368164,1719.864014
	C958.831726,1715.852905 957.295349,1711.841675 955.597351,1706.551270
z"/>
<path fill="#060D1F" opacity="1.000000" stroke="none"
	d="
M958.922241,1719.915527
	C964.469482,1726.602417 968.355530,1733.487183 972.783997,1740.003174
	C974.427490,1742.421509 977.343140,1743.975220 979.966064,1746.162964
	C989.625977,1738.927368 993.730652,1728.825439 1000.160583,1720.619385
	C1006.697510,1712.276611 1012.930603,1703.695679 1021.036377,1693.336060
	C1028.852417,1684.634521 1034.813354,1677.708618 1041.030029,1671.020508
	C1053.001831,1658.141113 1064.324951,1644.531982 1079.837646,1637.254883
	C1079.225586,1644.912964 1078.309082,1650.721802 1077.931396,1656.565552
	C1077.599609,1661.696655 1077.871704,1666.866577 1077.327148,1673.114990
	C1074.918457,1676.116333 1073.053223,1678.015869 1071.201904,1679.928833
	C990.650879,1763.161255 945.892578,1862.311890 938.681641,1978.125854
	C937.814392,1992.054565 937.316406,2006.006104 935.126221,2019.981689
	C928.685120,2019.972168 925.390747,2021.698242 923.744690,2026.905151
	C921.874268,2032.821655 920.158020,2039.441528 911.453430,2038.473145
	C910.264832,2029.709961 909.137146,2022.483521 909.156677,2015.260132
	C909.195801,2000.773071 909.861694,1986.287598 910.675781,1970.052856
	C913.709473,1948.726074 916.406311,1929.156982 918.919373,1909.564331
	C919.646057,1903.899170 922.371399,1898.018555 918.031006,1892.484985
	C914.711975,1892.484985 911.287109,1891.832397 908.231323,1892.617188
	C901.299438,1894.397461 894.549377,1896.885254 886.445374,1899.132935
	C883.464233,1899.212280 881.763000,1899.244019 880.061768,1899.275757
	C880.035950,1891.301880 880.010132,1883.327881 880.854858,1872.637939
	C886.533203,1868.001831 891.340881,1866.081787 897.760132,1864.135864
	C906.495850,1862.726562 913.598694,1861.220215 920.749451,1859.992065
	C928.868835,1858.597412 933.596985,1853.728271 935.935791,1846.083740
	C941.580017,1827.634888 948.614258,1809.778442 957.399414,1792.547241
	C961.776062,1783.962769 961.968384,1774.139648 958.030457,1765.485718
	C954.526978,1757.786377 948.808350,1751.095093 943.572571,1742.785156
	C942.036926,1738.434204 940.996033,1735.257202 939.955139,1732.080078
	C943.737427,1725.065552 948.693298,1719.748413 958.922241,1719.915527
z"/>
<path fill="#2B3343" opacity="1.000000" stroke="none"
	d="
M938.922241,1731.332520
	C940.996033,1735.257202 942.036926,1738.434204 942.985962,1744.064575
	C925.278442,1777.836060 914.176331,1811.979126 900.427917,1844.967407
	C897.944946,1850.925171 897.522339,1857.741699 896.148499,1864.161743
	C891.340881,1866.081787 886.533203,1868.001831 880.845947,1870.924316
	C872.995728,1873.287842 866.025085,1874.648804 857.513794,1875.986450
	C862.378174,1849.646851 874.091919,1825.277222 883.994385,1800.262451
	C892.940491,1777.664062 902.711853,1755.390015 912.288391,1733.045288
	C915.121277,1726.435547 918.712402,1720.216064 926.644531,1716.196777
	C931.319519,1720.857544 934.604492,1725.721191 938.922241,1731.332520
z"/>
<path fill="#8D98AB" opacity="1.000000" stroke="none"
	d="
M1232.173218,1363.970459
	C1228.194458,1354.258911 1224.215698,1344.547485 1220.269897,1333.388916
	C1225.379761,1331.962280 1228.908813,1329.101318 1232.273804,1325.730225
	C1263.195679,1294.753540 1294.219116,1263.877686 1325.002441,1232.763916
	C1328.115356,1229.617432 1329.842529,1225.099976 1332.532471,1219.717163
	C1343.890991,1222.130615 1354.929688,1226.045654 1366.864258,1232.302856
	C1365.668701,1237.929443 1364.148682,1241.836548 1361.376953,1244.379395
	C1353.623413,1251.492310 1344.639404,1257.361328 1337.414062,1264.935791
	C1311.882935,1291.700562 1282.813354,1315.063354 1260.554688,1344.998047
	C1256.643555,1350.257690 1251.265381,1354.408936 1246.724487,1359.222778
	C1242.682495,1363.507690 1237.623901,1364.233276 1232.173218,1363.970459
z"/>
<path fill="#04060F" opacity="1.000000" stroke="none"
	d="
M1077.877197,1672.019409
	C1077.871704,1666.866577 1077.599609,1661.696655 1077.931396,1656.565552
	C1078.309082,1650.721802 1079.225586,1644.912964 1080.507202,1636.127197
	C1091.451538,1624.772583 1101.796631,1616.379517 1112.933350,1607.643799
	C1114.732300,1606.668335 1115.467529,1605.804321 1116.836060,1604.280151
	C1118.677490,1602.926636 1119.613647,1602.002075 1121.906250,1600.708618
	C1147.474731,1586.771240 1171.686768,1573.202759 1197.317871,1559.355469
	C1219.894409,1551.386353 1241.087280,1543.790894 1262.173096,1535.908691
	C1265.560181,1534.642578 1268.468262,1532.094971 1272.652100,1529.481201
	C1265.415405,1514.994263 1258.674072,1501.499146 1251.753052,1486.571777
	C1245.200195,1471.405396 1238.827026,1457.671143 1232.239380,1442.456787
	C1226.587769,1426.011353 1221.150513,1411.046143 1215.713257,1396.080811
	C1219.165649,1394.694946 1222.602905,1393.269409 1226.074707,1391.933960
	C1229.531128,1390.604492 1233.022339,1389.365356 1238.596191,1389.090332
	C1242.580200,1393.641357 1244.466309,1397.188477 1246.616211,1402.177490
	C1250.372803,1411.706055 1253.865356,1419.792725 1257.239502,1429.246094
	C1262.043213,1440.417969 1266.965210,1450.223145 1271.982910,1461.458496
	C1277.222534,1472.973267 1282.366333,1483.057861 1287.681152,1494.548706
	C1292.050293,1505.319214 1295.820435,1514.921387 1302.565308,1523.452148
	C1308.444336,1523.452148 1314.144409,1523.452148 1321.531006,1523.598633
	C1336.616577,1520.391479 1350.290649,1519.899658 1364.008789,1519.699707
	C1369.227905,1519.623779 1374.440796,1519.124512 1381.498047,1519.140137
	C1396.858887,1519.368164 1410.378296,1519.274292 1425.645996,1519.421387
	C1435.588501,1519.750488 1443.782837,1519.838867 1453.631348,1520.040039
	C1470.138062,1522.695068 1484.951538,1525.509399 1499.862305,1527.642700
	C1505.677368,1528.474609 1511.777832,1528.333984 1517.630737,1527.641357
	C1526.764771,1526.560181 1533.303711,1518.160156 1531.370972,1509.329712
	C1527.575684,1491.990356 1524.450928,1474.609619 1523.399658,1456.865356
	C1523.297974,1455.149292 1521.498169,1453.533936 1520.386353,1450.108643
	C1520.082031,1438.880615 1519.878052,1429.416016 1519.760742,1418.122559
	C1519.752075,1402.816284 1519.656860,1389.338745 1519.703369,1374.107788
	C1520.281128,1365.221558 1520.582764,1358.077393 1521.185181,1350.958496
	C1522.057617,1340.648315 1523.147461,1330.356567 1524.348145,1318.422974
	C1526.891357,1304.364624 1521.682007,1296.539917 1510.055420,1292.208618
	C1503.885254,1289.910034 1497.970703,1286.925781 1490.792480,1283.481934
	C1479.700195,1278.223267 1469.756226,1273.733643 1458.602783,1268.446045
	C1447.598511,1263.750366 1437.803833,1259.852783 1426.904785,1255.117554
	C1417.192139,1250.906128 1408.583740,1247.532471 1399.041260,1243.450195
	C1396.114380,1241.510132 1394.121582,1240.278687 1392.128784,1239.047363
	C1393.279297,1234.861694 1394.205444,1230.596191 1395.655640,1226.516968
	C1396.701538,1223.575195 1398.444824,1220.881348 1401.534546,1216.879639
	C1418.120117,1221.188599 1433.048340,1226.694702 1448.880127,1233.251465
	C1463.841553,1240.098633 1477.899536,1245.895142 1493.117676,1252.506348
	C1507.106445,1259.464722 1519.422974,1266.833496 1533.704712,1270.803467
	C1542.398804,1246.548096 1550.774780,1223.180420 1559.709961,1198.478271
	C1570.122681,1178.536865 1579.925293,1159.902832 1589.855591,1141.336914
	C1593.567261,1134.397583 1597.575928,1127.617310 1602.450195,1119.915649
	C1606.250244,1115.399658 1609.063965,1111.743408 1611.845703,1108.062988
	C1623.764771,1092.294434 1635.361328,1076.246948 1650.615845,1063.372314
	C1658.321655,1065.111084 1664.859375,1061.807617 1671.269165,1058.369385
	C1676.543701,1055.540283 1681.390381,1056.294922 1687.044678,1061.035156
	C1683.737915,1067.146118 1679.528809,1071.408813 1675.472168,1075.811646
	C1626.580566,1128.873169 1588.951172,1188.647583 1567.717773,1258.020874
	C1539.582153,1349.944336 1543.276245,1441.706665 1569.902100,1534.810791
	C1571.277832,1540.771362 1572.665405,1545.149292 1573.805908,1549.590454
	C1577.917847,1565.600586 1569.900269,1574.060181 1554.213135,1570.402954
	C1549.800781,1569.374512 1545.341187,1568.549438 1539.888916,1566.762451
	C1535.408813,1565.127563 1531.942871,1564.361450 1527.661743,1562.686523
	C1524.501343,1561.450073 1522.156372,1561.122192 1518.271362,1560.363525
	C1465.933716,1547.704956 1414.659546,1543.131836 1362.351074,1547.045898
	C1300.413330,1551.680420 1242.084717,1568.059692 1186.712769,1595.722412
	C1176.190063,1600.979370 1165.750122,1606.401855 1154.430908,1612.012207
	C1152.470459,1612.901001 1151.842651,1613.850342 1150.385254,1615.640991
	C1125.335083,1634.777954 1101.606201,1653.398682 1077.877197,1672.019409
z"/>
<path fill="#516895" opacity="1.000000" stroke="none"
	d="
M1651.145386,1062.108154
	C1635.361328,1076.246948 1623.764771,1092.294434 1611.845703,1108.062988
	C1609.063965,1111.743408 1606.250244,1115.399658 1600.839111,1119.696777
	C1590.358643,1119.664185 1584.293823,1123.670654 1578.181030,1127.828857
	C1538.779663,1154.630981 1499.785767,1182.009644 1462.630737,1211.871094
	C1456.177734,1217.057373 1448.315430,1222.179688 1447.976562,1232.200806
	C1433.048340,1226.694702 1418.120117,1221.188599 1401.708862,1215.444092
	C1400.225708,1215.205688 1400.121948,1213.664917 1400.033813,1212.898071
	C1402.960693,1208.653442 1405.545654,1204.647095 1409.062866,1201.786743
	C1427.546997,1186.754272 1445.871216,1171.477295 1465.008301,1157.307983
	C1487.361450,1140.757446 1510.415894,1125.145996 1533.328247,1109.362549
	C1543.129517,1102.610718 1553.421875,1096.576416 1563.345703,1089.997192
	C1576.593262,1081.214600 1589.353149,1071.644287 1602.945801,1063.445923
	C1624.538452,1050.422485 1646.617432,1038.202393 1668.554443,1025.755005
	C1674.958496,1022.121277 1681.634888,1019.074829 1690.977417,1020.199768
	C1687.409424,1025.403809 1682.199585,1030.471802 1677.039062,1035.589478
	C1668.567383,1043.990723 1660.127930,1052.424194 1651.145386,1062.108154
z"/>
<path fill="#7D889C" opacity="1.000000" stroke="none"
	d="
M1246.352295,1400.735718
	C1244.466309,1397.188477 1242.580200,1393.641357 1240.028320,1389.077637
	C1236.979736,1380.976074 1234.596924,1373.891113 1232.193726,1365.388306
	C1237.623901,1364.233276 1242.682495,1363.507690 1246.724487,1359.222778
	C1251.265381,1354.408936 1256.643555,1350.257690 1260.554688,1344.998047
	C1282.813354,1315.063354 1311.882935,1291.700562 1337.414062,1264.935791
	C1344.639404,1257.361328 1353.623413,1251.492310 1361.376953,1244.379395
	C1364.148682,1241.836548 1365.668701,1237.929443 1367.912720,1233.254395
	C1375.153198,1234.242432 1382.240967,1236.620972 1390.728760,1239.023438
	C1394.121582,1240.278687 1396.114380,1241.510132 1399.025269,1244.905762
	C1399.783203,1258.790649 1389.835815,1263.439575 1382.944214,1270.149536
	C1378.734741,1274.247925 1373.106689,1276.923096 1369.043945,1281.133179
	C1333.247681,1318.227661 1294.170898,1352.148682 1261.420776,1392.186157
	C1257.459595,1397.028809 1252.674927,1400.175781 1246.352295,1400.735718
z"/>
<path fill="#526997" opacity="1.000000" stroke="none"
	d="
M1120.549927,1601.077393
	C1119.613647,1602.002075 1118.677490,1602.926636 1115.836426,1604.244873
	C1113.334839,1605.754517 1112.738159,1606.870483 1112.141602,1607.986450
	C1101.796631,1616.379517 1091.451538,1624.772583 1080.437012,1634.293213
	C1064.324951,1644.531982 1053.001831,1658.141113 1041.030029,1671.020508
	C1034.813354,1677.708618 1028.852417,1684.634521 1021.602173,1692.135498
	C1019.013123,1685.789917 1021.798523,1679.735352 1025.045166,1673.890259
	C1038.555298,1649.566772 1051.541626,1624.922974 1065.902832,1601.109863
	C1080.254639,1577.312012 1095.519531,1554.022339 1111.280762,1531.127075
	C1133.393555,1499.005493 1155.642700,1466.956543 1180.656128,1436.935181
	C1191.223755,1424.251831 1200.998413,1410.907959 1211.783447,1396.615112
	C1212.433472,1395.365845 1214.069824,1395.740845 1214.891602,1395.910889
	C1221.150513,1411.046143 1226.587769,1426.011353 1230.813721,1442.598389
	C1226.911621,1445.965088 1223.522705,1447.159668 1221.643066,1449.544189
	C1209.409668,1465.064087 1197.148560,1480.585205 1185.569702,1496.592896
	C1165.467285,1524.384277 1145.779175,1552.477051 1126.092773,1580.566528
	C1121.863281,1586.601440 1118.911621,1593.301758 1120.549927,1601.077393
z"/>
<path fill="#6D8AC1" opacity="1.000000" stroke="none"
	d="
M2527.965332,4123.392090
	C2530.417480,4113.571777 2534.866211,4103.999023 2541.832520,4093.248291
	C2564.759277,4090.444092 2585.031250,4087.683105 2605.598145,4087.136719
	C2615.199707,4086.881592 2625.386719,4085.413574 2634.919189,4083.441162
	C2647.382324,4080.862793 2659.940430,4081.036621 2672.301758,4079.111328
	C2691.824707,4076.071533 2711.159180,4071.836914 2730.601562,4068.261719
	C2755.897705,4063.610107 2781.478027,4060.198975 2806.478760,4054.311768
	C2855.397705,4042.791992 2903.959717,4029.787842 2951.777832,4014.173828
	C2955.489502,4012.961670 2959.522461,4012.734131 2963.406250,4012.048828
	C2958.791992,4024.646240 2954.178223,4037.243652 2948.643311,4050.932617
	C2936.188477,4051.255615 2925.557373,4055.420410 2914.882568,4058.610107
	C2864.261963,4073.734619 2813.191650,4086.920898 2761.206543,4096.522461
	C2736.607422,4101.066406 2712.158203,4106.242676 2687.144043,4108.396973
	C2676.060059,4109.352051 2665.162842,4112.483398 2654.184570,4114.645020
	C2652.889648,4114.899902 2651.631348,4115.453125 2650.331299,4115.556152
	C2631.270264,4117.069824 2612.207275,4118.557129 2593.139160,4119.977051
	C2589.835938,4120.223145 2586.260742,4119.359863 2583.231689,4120.326660
	C2565.709473,4125.917969 2547.787109,4123.763184 2527.965332,4123.392090
z"/>
<path fill="#6E8BC2" opacity="1.000000" stroke="none"
	d="
M2331.979980,4092.002197
	C2337.624512,4102.848145 2343.268799,4113.693848 2349.209961,4125.942383
	C2338.369629,4126.229980 2327.254395,4124.721680 2316.089844,4124.114258
	C2305.474365,4123.536133 2294.034180,4126.362305 2284.330322,4123.316406
	C2266.158447,4117.612793 2246.905273,4123.717773 2229.302246,4116.247070
	C2216.536865,4117.495117 2204.338379,4113.676270 2191.925293,4111.917480
	C2179.520508,4110.159668 2167.279297,4106.594727 2154.844971,4105.847656
	C2134.881592,4104.648438 2116.146240,4097.153809 2096.295410,4095.794434
	C2093.051514,4095.572021 2089.901367,4094.182373 2086.673584,4093.491455
	C2040.715576,4083.656250 1995.520264,4070.821289 1950.082275,4058.932861
	C1943.764282,4057.280273 1937.089600,4056.990723 1928.824463,4056.119629
	C1921.946045,4044.026123 1916.822998,4031.883301 1912.495850,4017.086914
	C1915.779785,4013.910156 1918.513794,4012.447754 1920.713867,4013.024170
	C1931.579468,4015.870117 1942.308228,4019.239746 1953.076538,4022.454102
	C1963.855347,4025.672119 1974.534058,4029.269775 1985.412476,4032.102051
	C2034.619019,4044.913818 2083.834229,4057.731445 2133.936035,4066.684570
	C2152.759766,4070.048096 2171.802490,4072.313965 2190.482178,4076.310303
	C2202.891602,4078.964844 2215.362793,4079.442139 2227.827148,4080.833008
	C2243.520508,4082.583496 2259.006348,4086.479004 2274.718018,4087.702393
	C2292.477539,4089.085449 2310.513672,4086.812988 2328.006348,4091.946777
	C2329.230957,4092.306152 2330.650879,4091.999268 2331.979980,4092.002197
z"/>
<path fill="#060D1F" opacity="1.000000" stroke="none"
	d="
M1711.888184,3943.907959
	C1705.098755,3939.665527 1698.888672,3934.894043 1697.093750,3924.702637
	C1700.550049,3920.665527 1703.202148,3918.751465 1707.168457,3916.654785
	C1722.437378,3909.459229 1736.122070,3902.036865 1749.830688,3890.374268
	C1732.074341,3878.653320 1716.817505,3866.464111 1699.800781,3854.585693
	C1695.132202,3849.979004 1690.864502,3846.802002 1687.111328,3843.102783
	C1673.981567,3830.162354 1661.029663,3817.041504 1649.632080,3803.987305
	C1661.299072,3803.941650 1670.428223,3807.196045 1678.659180,3812.575439
	C1684.182495,3816.185303 1689.646484,3815.791016 1696.616943,3814.916260
	C1703.363159,3820.072266 1708.899292,3824.826904 1714.551636,3829.438965
	C1778.606689,3881.699463 1851.059448,3915.566650 1932.852539,3928.846436
	C1948.518188,3931.389893 1964.259766,3933.465820 1980.242188,3937.255859
	C1982.956177,3940.461914 1985.165894,3942.909180 1987.873291,3943.745850
	C1998.239868,3946.950195 2008.790771,3949.552490 2019.219971,3952.562744
	C2022.848633,3953.610596 2023.577148,3956.896484 2022.304688,3960.434082
	C2014.996460,3961.306396 2009.377930,3961.921387 2001.972900,3962.058105
	C1988.219116,3961.087891 1976.222778,3960.958496 1964.292603,3960.001953
	C1952.382202,3959.047363 1940.569580,3956.827637 1928.655884,3955.970947
	C1917.006348,3955.132812 1905.772827,3948.571289 1893.141968,3952.862305
	C1893.598267,3961.303955 1894.992554,3968.979004 1898.718262,3977.787598
	C1901.983887,3991.573975 1905.082642,4003.770264 1908.181396,4015.966309
	C1901.236206,4015.991211 1894.291138,4016.015869 1884.573975,4015.084717
	C1878.464966,4002.805664 1875.127808,3991.482666 1871.294800,3978.723389
	C1868.477417,3968.351807 1865.928955,3959.467285 1863.906372,3950.464844
	C1862.285889,3943.252197 1857.983765,3938.814453 1851.294067,3936.379395
	C1843.826904,3933.661621 1836.184570,3931.373291 1828.870117,3928.299316
	C1816.046265,3922.908936 1803.351318,3917.197998 1790.733276,3911.339355
	C1785.766235,3909.033447 1779.989868,3906.007324 1775.622192,3909.077881
	C1766.529663,3915.470215 1754.497437,3917.571289 1746.602783,3927.944824
	C1734.095459,3933.417480 1722.991821,3938.662598 1711.888184,3943.907959
z"/>
<path fill="#637EB2" opacity="1.000000" stroke="none"
	d="
M1908.988647,4016.183594
	C1905.082642,4003.770264 1901.983887,3991.573975 1900.409912,3977.754395
	C1903.921021,3976.293213 1906.038574,3976.062256 1907.874268,3976.675049
	C1944.980469,3989.059570 1982.300049,4000.716064 2020.285645,4010.146240
	C2031.185181,4012.852295 2042.053467,4015.683105 2052.948486,4018.407471
	C2070.916016,4022.900146 2088.762939,4028.000244 2106.897705,4031.672852
	C2135.365234,4037.437256 2164.017822,4042.295654 2192.617676,4047.393066
	C2202.373535,4049.132324 2212.195068,4051.590088 2222.006836,4051.687012
	C2239.962158,4051.864502 2257.310059,4058.399902 2275.405762,4056.174805
	C2276.688477,4056.017090 2278.161133,4056.146484 2279.344482,4056.632568
	C2291.526855,4061.633789 2304.228760,4059.852539 2316.812012,4059.640381
	C2321.801758,4069.484863 2326.791748,4079.329346 2331.880859,4090.587891
	C2330.650879,4091.999268 2329.230957,4092.306152 2328.006348,4091.946777
	C2310.513672,4086.812988 2292.477539,4089.085449 2274.718018,4087.702393
	C2259.006348,4086.479004 2243.520508,4082.583496 2227.827148,4080.833008
	C2215.362793,4079.442139 2202.891602,4078.964844 2190.482178,4076.310303
	C2171.802490,4072.313965 2152.759766,4070.048096 2133.936035,4066.684570
	C2083.834229,4057.731445 2034.619019,4044.913818 1985.412476,4032.102051
	C1974.534058,4029.269775 1963.855347,4025.672119 1953.076538,4022.454102
	C1942.308228,4019.239746 1931.579468,4015.870117 1920.713867,4013.024170
	C1918.513794,4012.447754 1915.779785,4013.910156 1912.353027,4015.627197
	C1911.414062,4016.821289 1909.795898,4016.400635 1908.988647,4016.183594
z"/>
<path fill="#4C5467" opacity="1.000000" stroke="none"
	d="
M1757.676514,4043.763184
	C1753.800903,4041.744141 1751.574707,4038.023438 1748.302979,4036.362549
	C1736.579956,4030.411133 1724.402710,4025.363281 1712.581055,4019.597168
	C1688.298584,4007.753662 1664.113403,3995.709717 1639.971924,3983.581787
	C1638.426392,3982.805420 1637.597168,3980.603271 1636.189331,3977.722656
	C1646.983154,3972.373779 1658.022461,3968.366211 1671.139526,3965.419678
	C1677.056152,3972.206787 1682.640747,3975.600098 1688.790771,3978.320068
	C1700.859131,3983.657471 1712.882202,3989.097168 1724.928589,3994.484619
	C1740.596802,4001.491699 1756.115112,4008.863770 1771.975952,4015.404297
	C1796.357544,4025.458984 1820.845215,4035.287109 1845.538818,4044.542480
	C1862.118042,4050.756104 1878.346680,4058.476807 1896.455811,4059.668701
	C1901.624878,4069.442383 1906.793945,4079.216064 1912.158203,4090.393066
	C1905.642212,4092.359375 1899.330688,4091.281982 1892.900513,4088.918457
	C1879.851440,4084.122314 1866.333252,4080.594482 1853.314819,4075.724854
	C1829.772217,4066.918457 1806.454346,4057.511475 1781.602661,4048.228027
	C1779.897705,4044.314453 1780.004272,4040.454102 1779.265015,4036.762939
	C1778.501099,4032.948730 1773.340088,4030.784668 1770.208008,4033.064209
	C1766.155762,4036.014160 1762.610229,4039.660400 1757.676514,4043.763184
z"/>
<path fill="#394254" opacity="1.000000" stroke="none"
	d="
M1896.347656,4058.199219
	C1878.346680,4058.476807 1862.118042,4050.756104 1845.538818,4044.542480
	C1820.845215,4035.287109 1796.357544,4025.458984 1771.975952,4015.404297
	C1756.115112,4008.863770 1740.596802,4001.491699 1724.928589,3994.484619
	C1712.882202,3989.097168 1700.859131,3983.657471 1688.790771,3978.320068
	C1682.640747,3975.600098 1677.056152,3972.206787 1672.608643,3965.236816
	C1683.446533,3956.649658 1696.354492,3952.724609 1710.674316,3949.354492
	C1713.651367,3955.845947 1718.455688,3957.305420 1722.504883,3959.211670
	C1737.449463,3966.246094 1752.796997,3972.463135 1767.521362,3979.918701
	C1798.859863,3995.787109 1832.334351,4006.315430 1864.731812,4019.520752
	C1870.736816,4021.968506 1877.471191,4022.627441 1883.868896,4024.111816
	C1886.291138,4030.110352 1888.801392,4036.074951 1891.107422,4042.117920
	C1892.947266,4046.938965 1894.538086,4051.855469 1896.347656,4058.199219
z"/>
<path fill="#2B3343" opacity="1.000000" stroke="none"
	d="
M1883.909546,4022.770508
	C1877.471191,4022.627441 1870.736816,4021.968506 1864.731812,4019.520752
	C1832.334351,4006.315430 1798.859863,3995.787109 1767.521362,3979.918701
	C1752.796997,3972.463135 1737.449463,3966.246094 1722.504883,3959.211670
	C1718.455688,3957.305420 1713.651367,3955.845947 1712.140991,3949.114990
	C1711.929810,3947.697998 1711.892212,3945.804199 1711.890137,3944.855957
	C1722.991821,3938.662598 1734.095459,3933.417480 1746.795654,3929.375244
	C1751.022949,3937.871826 1758.188110,3939.245850 1764.022217,3941.753174
	C1787.125732,3951.681885 1810.280640,3961.545410 1833.780151,3970.476074
	C1845.965576,3975.106689 1857.707397,3982.568359 1871.790649,3980.159668
	C1875.127808,3991.482666 1878.464966,4002.805664 1882.838135,4015.097656
	C1883.899658,4017.854248 1883.924927,4019.641846 1883.909546,4022.770508
z"/>
<path fill="#6580B4" opacity="1.000000" stroke="none"
	d="
M2964.162598,4010.893066
	C2959.522461,4012.734131 2955.489502,4012.961670 2951.777832,4014.173828
	C2903.959717,4029.787842 2855.397705,4042.791992 2806.478760,4054.311768
	C2781.478027,4060.198975 2755.897705,4063.610107 2730.601562,4068.261719
	C2711.159180,4071.836914 2691.824707,4076.071533 2672.301758,4079.111328
	C2659.940430,4081.036621 2647.382324,4080.862793 2634.919189,4083.441162
	C2625.386719,4085.413574 2615.199707,4086.881592 2605.598145,4087.136719
	C2585.031250,4087.683105 2564.759277,4090.444092 2542.665283,4092.092773
	C2544.953369,4083.209473 2548.926270,4074.303955 2555.705811,4064.580078
	C2569.811768,4063.590332 2581.392090,4064.881592 2592.320312,4062.780518
	C2600.895264,4061.131836 2609.278076,4060.184082 2617.898193,4059.942627
	C2621.857910,4059.832275 2625.852295,4059.456787 2629.744629,4058.737061
	C2640.780762,4056.695801 2651.686279,4053.367920 2662.799561,4052.457031
	C2682.614746,4050.832764 2702.110352,4047.461426 2721.616211,4043.996826
	C2745.682373,4039.722656 2769.966064,4036.299805 2793.699463,4030.605713
	C2844.586426,4018.396729 2895.360596,4005.597900 2944.826904,3988.255127
	C2953.712646,3985.139893 2962.677246,3983.108643 2972.144043,3984.018799
	C2972.111816,3985.790039 2972.079590,3987.561523 2972.109375,3990.662109
	C2969.754150,3997.906738 2967.336670,4003.822021 2964.162598,4010.893066
z"/>
<path fill="#103C8D" opacity="1.000000" stroke="none"
	d="
M2528.335693,4048.010986
	C2519.709473,4067.530029 2511.083252,4087.048828 2501.429199,4107.491211
	C2497.559814,4106.980469 2494.726807,4104.317871 2491.875244,4104.297852
	C2455.440674,4104.042480 2419.003174,4104.116211 2382.567383,4104.297363
	C2380.066895,4104.309570 2377.573730,4105.834961 2373.546387,4107.328125
	C2362.854004,4088.969238 2353.692627,4069.938965 2346.215820,4049.463379
	C2408.045166,4048.015625 2468.190430,4048.013184 2528.335693,4048.010986
z"/>
<path fill="#04060F" opacity="1.000000" stroke="none"
	d="
M2023.994385,3960.177002
	C2023.577148,3956.896484 2022.848633,3953.610596 2019.219971,3952.562744
	C2008.790771,3949.552490 1998.239868,3946.950195 1987.873291,3943.745850
	C1985.165894,3942.909180 1982.956177,3940.461914 1982.078247,3936.974121
	C2000.756836,3935.322021 2017.875244,3935.450195 2036.458496,3935.773926
	C2042.697021,3935.997070 2047.683594,3937.148438 2053.390625,3932.884277
	C2066.876953,3930.639404 2078.830566,3929.457520 2090.515625,3926.998779
	C2232.630615,3897.093262 2339.760010,3819.270508 2411.909180,3691.616455
	C2417.442627,3682.065918 2422.062012,3673.356689 2427.867676,3664.334473
	C2433.844238,3659.625732 2439.883545,3661.067383 2446.200684,3661.743896
	C2452.378662,3671.360352 2457.850098,3679.736816 2463.580078,3689.520996
	C2475.031250,3713.010986 2489.269043,3733.124268 2504.450684,3752.541748
	C2561.632568,3825.679932 2632.598877,3879.881104 2721.141113,3909.987793
	C2757.281738,3922.276611 2794.502930,3929.044434 2833.565430,3934.282715
	C2844.858154,3935.340088 2854.861084,3935.497314 2866.213135,3935.259766
	C2870.343750,3935.090576 2873.125488,3935.315918 2875.906982,3935.541260
	C2875.613281,3938.822510 2875.057373,3942.178223 2871.467529,3943.336670
	C2861.725098,3946.479736 2851.848877,3949.213623 2842.151367,3952.482910
	C2840.019775,3953.201660 2838.408936,3955.465576 2834.501465,3958.616699
	C2825.229248,3959.826172 2817.990723,3959.682373 2810.803711,3958.995361
	C2797.092041,3957.684326 2783.409912,3956.063232 2768.517578,3953.643799
	C2736.547607,3944.170898 2705.861084,3935.356445 2675.222168,3922.647705
	C2670.836426,3919.768066 2667.328125,3917.899902 2663.771729,3916.127930
	C2653.687012,3911.103271 2643.743652,3905.750732 2633.435303,3901.232666
	C2624.983643,3897.528076 2619.479980,3899.720703 2615.893066,3908.418945
	C2611.615234,3918.791748 2608.338379,3929.577637 2604.126465,3941.563965
	C2598.071533,3957.791992 2592.517822,3972.641113 2586.046875,3988.538574
	C2580.173584,4002.131348 2575.217285,4014.675781 2569.544434,4028.045898
	C2567.274658,4031.261230 2565.720947,4033.651123 2564.166992,4036.041016
	C2556.927490,4034.786621 2549.687744,4033.531982 2541.119141,4030.619385
	C2544.009033,4016.789307 2548.227539,4004.617188 2553.489502,3991.494141
	C2565.208252,3967.829346 2573.184814,3944.124268 2581.422119,3919.183594
	C2586.864502,3906.563965 2591.272461,3894.895752 2595.629395,3883.362793
	C2593.494873,3880.471191 2592.313965,3877.896973 2590.332520,3876.343994
	C2576.328125,3865.371582 2562.159912,3854.608398 2547.455078,3842.602051
	C2544.622314,3838.987061 2542.466797,3836.459961 2540.121826,3834.123291
	C2512.453613,3806.552979 2483.704102,3779.946533 2462.822510,3746.377686
	C2461.505859,3744.260986 2459.177002,3741.716553 2456.998779,3741.366943
	C2443.899658,3739.265381 2430.679932,3738.682617 2417.652344,3741.815186
	C2415.329834,3742.373779 2413.266113,3744.771484 2411.499512,3746.701660
	C2408.833252,3749.614990 2406.401367,3752.769531 2404.101074,3755.986816
	C2394.078613,3770.006104 2383.367188,3783.388184 2370.849854,3795.342285
	C2358.372803,3807.258301 2346.314453,3819.617676 2334.226074,3831.933350
	C2330.543945,3835.684814 2327.368896,3839.933838 2322.763672,3844.563477
	C2316.388184,3849.168213 2311.241699,3853.205566 2306.024902,3857.149902
	C2299.757812,3861.889160 2293.402344,3866.511475 2287.138184,3871.254639
	C2282.106201,3875.064697 2278.268555,3880.123535 2280.413818,3886.437012
	C2284.798584,3899.341064 2286.336426,3913.446289 2295.645996,3925.985840
	C2299.186768,3938.203857 2302.072510,3949.099365 2306.088867,3959.560547
	C2309.843994,3969.342041 2314.798096,3978.662842 2319.407227,3989.697266
	C2325.084717,4006.136963 2330.580078,4021.066406 2336.075439,4035.995605
	C2328.072021,4035.974365 2320.068359,4035.953125 2309.654297,4034.910156
	C2304.972656,4030.562988 2302.701416,4027.237549 2300.528076,4022.405273
	C2295.270508,4008.509277 2289.915039,3996.119629 2284.415527,3982.254150
	C2278.832764,3967.190918 2273.394531,3953.603760 2267.885742,3938.524902
	C2263.067383,3923.620361 2258.602783,3910.083008 2250.920410,3896.360352
	C2232.010254,3905.918945 2213.991455,3915.027100 2194.509277,3924.313477
	C2172.722412,3931.453125 2152.413818,3938.458252 2132.067871,3945.352539
	C2125.399170,3947.612061 2118.632812,3949.583496 2110.230957,3951.702148
	C2105.273438,3952.139404 2101.957031,3952.364990 2098.725830,3953.015137
	C2074.058594,3957.979248 2049.253174,3961.420166 2023.994385,3960.177002
z"/>
<path fill="#5B73A4" opacity="1.000000" stroke="none"
	d="
M2300.430176,4023.912109
	C2302.701416,4027.237549 2304.972656,4030.562988 2307.943848,4034.884277
	C2311.229736,4042.869629 2313.815918,4049.859131 2316.606934,4058.244629
	C2304.228760,4059.852539 2291.526855,4061.633789 2279.344482,4056.632568
	C2278.161133,4056.146484 2276.688477,4056.017090 2275.405762,4056.174805
	C2257.310059,4058.399902 2239.962158,4051.864502 2222.006836,4051.687012
	C2212.195068,4051.590088 2202.373535,4049.132324 2192.617676,4047.393066
	C2164.017822,4042.295654 2135.365234,4037.437256 2106.897705,4031.672852
	C2088.762939,4028.000244 2070.916016,4022.900146 2052.948486,4018.407471
	C2042.053467,4015.683105 2031.185181,4012.852295 2020.285645,4010.146240
	C1982.300049,4000.716064 1944.980469,3989.059570 1907.874268,3976.675049
	C1906.038574,3976.062256 1903.921021,3976.293213 1900.243164,3976.164062
	C1894.992554,3968.979004 1893.598267,3961.303955 1893.141968,3952.862305
	C1905.772827,3948.571289 1917.006348,3955.132812 1928.655884,3955.970947
	C1940.569580,3956.827637 1952.382202,3959.047363 1964.292603,3960.001953
	C1976.222778,3960.958496 1988.219116,3961.087891 2002.370728,3963.262207
	C2008.470703,3972.071045 2015.469116,3974.218018 2022.629517,3975.854736
	C2066.919434,3985.978027 2110.661865,3998.444580 2155.804443,4004.897461
	C2179.858887,4008.335938 2203.648193,4013.497314 2227.828369,4016.554199
	C2239.580322,4018.040039 2251.668701,4018.359131 2263.016113,4021.035400
	C2275.588623,4024.000488 2287.916748,4023.679932 2300.430176,4023.912109
z"/>
<path fill="#0D3075" opacity="1.000000" stroke="none"
	d="
M2552.445801,3992.445068
	C2548.227539,4004.617188 2544.009033,4016.789307 2539.542969,4030.464355
	C2536.302002,4036.823486 2533.308350,4041.679199 2529.325195,4047.272949
	C2468.190430,4048.013184 2408.045166,4048.015625 2346.045410,4048.037109
	C2342.149414,4044.502930 2340.107910,4040.949707 2337.071045,4036.696289
	C2330.580078,4021.066406 2325.084717,4006.136963 2320.984131,3989.074219
	C2331.207764,3982.454834 2340.411133,3983.777344 2349.654053,3985.072998
	C2357.463379,3986.167725 2365.299805,3987.807129 2373.133789,3987.863281
	C2412.976318,3988.149170 2452.821777,3988.046143 2492.666260,3987.967773
	C2503.223877,3987.946777 2513.758057,3988.690186 2524.156250,3984.945557
	C2528.910156,3983.233398 2534.655762,3984.163086 2539.953857,3984.103516
	C2545.942871,3984.036377 2549.818115,3987.362061 2552.445801,3992.445068
z"/>
<path fill="#5B73A4" opacity="1.000000" stroke="none"
	d="
M2564.071045,4037.494629
	C2565.720947,4033.651123 2567.274658,4031.261230 2571.527100,4028.280029
	C2591.498291,4028.365479 2608.500488,4027.513428 2625.712646,4024.444092
	C2649.738037,4020.160156 2674.426270,4019.583496 2698.443848,4015.266846
	C2728.995850,4009.775391 2759.677490,4004.746094 2789.726318,3996.470215
	C2817.149658,3988.917725 2844.970947,3982.817383 2872.578857,3975.924072
	C2880.935791,3973.837646 2889.788086,3972.095947 2892.199951,3961.671875
	C2919.591064,3958.333984 2946.979736,3954.972412 2974.383789,3951.744629
	C2975.457275,3951.618408 2976.680908,3952.767334 2978.776611,3953.775391
	C2980.829834,3963.353516 2975.553955,3972.300537 2973.132080,3982.884277
	C2962.677246,3983.108643 2953.712646,3985.139893 2944.826904,3988.255127
	C2895.360596,4005.597900 2844.586426,4018.396729 2793.699463,4030.605713
	C2769.966064,4036.299805 2745.682373,4039.722656 2721.616211,4043.996826
	C2702.110352,4047.461426 2682.614746,4050.832764 2662.799561,4052.457031
	C2651.686279,4053.367920 2640.780762,4056.695801 2629.744629,4058.737061
	C2625.852295,4059.456787 2621.857910,4059.832275 2617.898193,4059.942627
	C2609.278076,4060.184082 2600.895264,4061.131836 2592.320312,4062.780518
	C2581.392090,4064.881592 2569.811768,4063.590332 2556.574219,4063.573486
	C2557.749268,4055.239502 2560.862305,4047.093994 2564.071045,4037.494629
z"/>
<path fill="#6E8BC2" opacity="1.000000" stroke="none"
	d="
M2943.872559,812.050781
	C2949.829834,822.237061 2954.863525,833.661865 2958.260254,846.544678
	C2943.727783,849.323425 2931.632324,845.402588 2919.658203,841.733826
	C2880.446045,829.719360 2840.995117,818.629211 2800.811523,810.372681
	C2763.984619,802.805847 2727.094238,795.536011 2690.164062,788.489746
	C2679.168213,786.391785 2667.977783,785.119568 2656.817871,784.122009
	C2637.742188,782.416809 2618.618896,781.249756 2599.520996,779.786743
	C2597.557861,779.636292 2595.647949,778.881165 2593.684814,778.628601
	C2586.500732,777.704163 2579.323486,776.412354 2572.108643,776.116821
	C2561.490967,775.681763 2550.842773,775.982666 2540.207764,775.970093
	C2535.069824,766.203064 2529.931641,756.436035 2524.624512,745.304932
	C2533.772949,743.962402 2543.107178,743.649109 2552.402588,744.113037
	C2559.625000,744.473511 2566.799316,745.799377 2573.994141,746.703735
	C2577.277100,747.116394 2580.642090,748.241638 2583.825684,747.855774
	C2602.607178,745.579773 2620.628662,751.911560 2639.213867,752.475037
	C2652.271729,752.871033 2665.210205,756.693848 2678.236816,758.769409
	C2689.973877,760.639526 2701.762207,762.188049 2713.520508,763.928040
	C2722.657471,765.280090 2731.808594,766.560120 2740.908447,768.132996
	C2762.372803,771.842773 2783.676758,776.448792 2805.058838,780.562744
	C2830.360596,785.430786 2855.171387,792.912537 2880.113281,799.567749
	C2898.024414,804.346863 2915.758789,809.789124 2933.682373,814.518188
	C2936.469482,815.253479 2939.845703,813.754883 2943.872559,812.050781
z"/>
<path fill="#6580B4" opacity="1.000000" stroke="none"
	d="
M2330.788574,776.176392
	C2328.873535,784.750427 2325.157227,793.245728 2318.829346,802.859253
	C2307.613770,804.361633 2298.990723,804.509705 2290.411621,805.199341
	C2282.548340,805.831482 2274.745361,807.181580 2266.890381,807.956604
	C2262.275635,808.411865 2257.548096,807.938354 2252.980469,808.617371
	C2238.001465,810.843994 2223.150391,814.237671 2208.106445,815.653381
	C2183.082520,818.008240 2158.667969,823.721252 2133.926514,827.519104
	C2088.769531,834.450989 2045.011719,847.275818 2000.764038,857.981140
	C1979.570312,863.108826 1958.798584,870.188904 1938.159302,877.320679
	C1926.114624,881.482605 1914.131470,884.705688 1901.372803,884.739746
	C1904.105469,874.533997 1906.838013,864.328247 1910.609253,853.030640
	C1929.520630,854.772278 1945.832886,847.525574 1961.913818,842.359497
	C2006.040771,828.183472 2051.142822,818.185120 2096.241211,808.067383
	C2118.727783,803.022583 2141.062256,797.199341 2164.271484,795.604065
	C2175.360352,794.841858 2186.236328,791.354675 2197.289795,789.615723
	C2210.949219,787.466675 2224.693604,785.856445 2238.399902,784.003784
	C2244.916504,783.122986 2251.433350,782.240601 2257.943115,781.309814
	C2259.246582,781.123413 2260.527344,780.415405 2261.803467,780.453796
	C2284.339111,781.131470 2306.633545,778.163330 2330.788574,776.176392
z"/>
<path fill="#9BB8F0" opacity="1.000000" stroke="none"
	d="
M1569.800781,1533.257080
	C1543.276245,1441.706665 1539.582153,1349.944336 1567.717773,1258.020874
	C1588.951172,1188.647583 1626.580566,1128.873169 1675.472168,1075.811646
	C1679.528809,1071.408813 1683.737915,1067.146118 1688.464966,1061.584717
	C1698.112549,1052.648438 1707.125610,1044.891479 1716.237061,1037.251709
	C1782.643555,981.572083 1859.031372,949.231262 1945.065308,939.481140
	C1954.287720,938.435913 1963.515015,937.432190 1976.250000,936.231567
	C2009.032837,935.698120 2038.218506,935.796265 2067.424805,939.289978
	C2142.979736,948.327881 2211.833984,974.119385 2273.225586,1019.279358
	C2324.820557,1057.233032 2366.179443,1104.623291 2400.469727,1158.399658
	C2406.523438,1167.893311 2411.627930,1177.992554 2415.454346,1187.855469
	C2404.557617,1186.700195 2396.157715,1190.171631 2386.441406,1191.512207
	C2380.211426,1184.760620 2375.237793,1178.615723 2369.854980,1172.853149
	C2367.207031,1170.018433 2363.801270,1167.891479 2360.570312,1164.160645
	C2345.905273,1142.675049 2327.034912,1126.774170 2308.577148,1110.513794
	C2274.906738,1080.851562 2237.714600,1056.301636 2197.106445,1037.357666
	C2144.963867,1013.032837 2090.517334,996.837769 2032.942871,990.529480
	C1976.187622,984.311035 1921.427124,991.013672 1868.223389,1010.651489
	C1801.050537,1035.445312 1745.862427,1077.713745 1699.778564,1131.663452
	C1642.364746,1198.877075 1611.946899,1278.207031 1599.801636,1365.040405
	C1597.133179,1384.118042 1594.559814,1403.284790 1593.533203,1422.495483
	C1592.438721,1442.979004 1590.113281,1463.671753 1595.283691,1485.815918
	C1595.370361,1498.379883 1595.613525,1509.153198 1594.419922,1520.104370
	C1589.798828,1522.367798 1586.726562,1524.656860 1583.402466,1526.488770
	C1578.971069,1528.930908 1574.343872,1531.017700 1569.800781,1533.257080
z"/>
<path fill="#030710" opacity="1.000000" stroke="none"
	d="
M2417.170898,1187.812012
	C2411.627930,1177.992554 2406.523438,1167.893311 2400.469727,1158.399658
	C2366.179443,1104.623291 2324.820557,1057.233032 2273.225586,1019.279358
	C2211.833984,974.119385 2142.979736,948.327881 2067.424805,939.289978
	C2038.218506,935.796265 2009.032837,935.698120 1977.908813,935.780762
	C1975.768188,930.119019 1976.769531,925.773804 1982.285156,922.796387
	C1988.290527,919.554443 1995.761108,918.288879 2001.618896,909.910522
	C2023.492554,908.176453 2043.203247,907.724854 2062.821289,911.276245
	C2075.074463,913.494263 2087.579102,914.323730 2101.340332,916.509949
	C2110.283936,919.116882 2117.938965,920.713867 2125.415771,922.917297
	C2144.791748,928.627563 2164.088623,934.604797 2184.385742,941.504089
	C2196.260742,947.443481 2207.120117,952.461426 2218.086182,957.234558
	C2228.811523,961.902832 2238.279541,969.779968 2250.710205,971.188965
	C2252.772461,968.457642 2254.955078,966.610229 2255.797119,964.278625
	C2260.531494,951.173401 2264.942627,937.951538 2270.301758,923.650879
	C2276.609863,908.318604 2282.080322,894.104858 2288.272705,878.685181
	C2294.169434,866.344116 2299.343994,855.209106 2304.518555,844.074097
	C2311.824707,844.173157 2319.315918,842.949158 2327.245850,849.107788
	C2325.501465,860.638428 2322.569824,870.143860 2318.585938,880.595459
	C2310.634521,897.895874 2303.361084,914.116150 2298.561523,932.556519
	C2293.779053,943.365967 2289.676270,953.097656 2286.461914,963.114380
	C2283.319336,972.907471 2276.978271,982.370117 2281.803223,994.038269
	C2286.352051,997.182007 2291.220947,1000.547058 2296.815430,1005.020874
	C2312.382568,1017.988892 2327.790527,1029.146606 2341.069580,1042.898804
	C2346.965332,1049.004639 2353.646729,1054.351929 2360.551758,1061.247437
	C2385.054443,1088.846436 2406.105713,1117.492432 2426.937256,1146.313477
	C2427.282715,1146.791748 2428.065430,1146.954346 2428.873291,1147.387207
	C2433.863037,1147.387207 2439.080566,1147.387207 2444.984619,1147.387207
	C2451.708740,1138.427002 2458.652100,1129.666870 2465.053955,1120.527344
	C2474.518799,1107.015259 2484.089111,1093.688843 2495.761963,1081.870850
	C2500.746338,1076.824585 2504.003174,1070.071899 2509.230469,1063.487549
	C2512.845459,1060.675659 2515.324707,1058.522827 2517.696045,1056.257324
	C2529.534424,1044.947632 2540.397705,1032.672363 2554.145752,1023.329041
	C2562.128662,1017.903931 2568.799561,1010.548645 2577.368652,1003.429565
	C2592.673096,993.867676 2595.233398,989.032349 2590.584473,974.204895
	C2586.510254,961.210449 2580.887695,948.701416 2575.792236,934.511963
	C2569.035889,916.689880 2562.436035,900.333801 2555.699707,882.522705
	C2550.339355,867.431824 2545.115479,853.795959 2539.891602,840.160034
	C2540.502686,834.918396 2543.253418,832.048096 2548.721436,832.090576
	C2552.578125,832.120483 2556.435059,832.064026 2562.587891,833.021729
	C2566.172363,835.963745 2567.461182,837.930115 2568.920166,841.267456
	C2573.665283,852.614807 2578.240479,862.591187 2583.034668,874.035767
	C2588.434570,887.868530 2593.615234,900.233154 2599.028809,914.097534
	C2602.602783,924.929504 2605.422607,934.492981 2609.429932,943.529785
	C2613.558105,952.840027 2613.340820,964.486633 2623.931152,971.913452
	C2630.385742,968.856445 2636.823486,965.653625 2643.385742,962.729248
	C2660.898926,954.924316 2678.472656,947.255737 2696.006348,939.496094
	C2701.374023,937.120483 2706.688965,934.625549 2713.585693,932.081055
	C2733.716064,927.070801 2752.257324,922.039795 2770.876221,917.315735
	C2779.171387,915.211121 2787.623047,913.724304 2797.751953,912.039001
	C2805.372559,911.697388 2811.345215,911.813965 2817.098877,910.748352
	C2833.980713,907.621887 2850.928711,907.903503 2867.929688,908.843140
	C2869.732422,911.385803 2871.044189,914.624878 2873.446045,916.317932
	C2877.708984,919.322815 2882.964844,920.941040 2887.148193,924.029358
	C2889.413818,925.702087 2890.322510,929.212708 2890.039307,933.555420
	C2865.684082,935.556946 2843.132812,935.897278 2819.523926,936.092529
	C2816.481201,936.525818 2814.495850,937.104187 2810.872314,938.347290
	C2686.978271,955.410706 2587.402100,1011.807373 2510.846680,1108.553711
	C2493.149902,1130.917969 2476.263184,1153.901367 2462.697998,1180.563477
	C2458.104736,1187.668579 2455.031494,1194.234985 2451.172852,1200.301636
	C2444.349365,1211.029175 2432.703125,1211.132202 2425.595459,1200.792480
	C2422.674316,1196.543213 2419.972412,1192.143311 2417.170898,1187.812012
z"/>
<path fill="#5B73A4" opacity="1.000000" stroke="none"
	d="
M1900.816162,885.914307
	C1914.131470,884.705688 1926.114624,881.482605 1938.159302,877.320679
	C1958.798584,870.188904 1979.570312,863.108826 2000.764038,857.981140
	C2045.011719,847.275818 2088.769531,834.450989 2133.926514,827.519104
	C2158.667969,823.721252 2183.082520,818.008240 2208.106445,815.653381
	C2223.150391,814.237671 2238.001465,810.843994 2252.980469,808.617371
	C2257.548096,807.938354 2262.275635,808.411865 2266.890381,807.956604
	C2274.745361,807.181580 2282.548340,805.831482 2290.411621,805.199341
	C2298.990723,804.509705 2307.613770,804.361633 2317.998535,803.970947
	C2314.972412,815.195984 2310.165527,826.427551 2302.830566,838.818359
	C2290.875000,839.079529 2281.994141,842.757935 2272.906250,843.495728
	C2248.567627,845.471558 2224.357422,848.253662 2200.264893,852.055420
	C2179.453369,855.339478 2158.684570,858.942444 2137.981445,862.851746
	C2124.368408,865.422302 2110.903320,868.779114 2097.375244,871.797791
	C2070.355225,877.827148 2043.305664,883.728699 2016.340576,889.993591
	C2009.270264,891.636230 2002.429688,894.317322 1995.549438,896.710510
	C1990.614014,898.427246 1988.362427,902.295471 1987.921265,907.350098
	C1956.557373,909.909607 1925.420654,914.289001 1892.697632,920.696228
	C1893.863770,907.931580 1896.851318,897.471191 1900.816162,885.914307
z"/>
<path fill="#516895" opacity="1.000000" stroke="none"
	d="
M1989.425537,907.661072
	C1988.362427,902.295471 1990.614014,898.427246 1995.549438,896.710510
	C2002.429688,894.317322 2009.270264,891.636230 2016.340576,889.993591
	C2043.305664,883.728699 2070.355225,877.827148 2097.375244,871.797791
	C2110.903320,868.779114 2124.368408,865.422302 2137.981445,862.851746
	C2158.684570,858.942444 2179.453369,855.339478 2200.264893,852.055420
	C2224.357422,848.253662 2248.567627,845.471558 2272.906250,843.495728
	C2281.994141,842.757935 2290.875000,839.079529 2302.035645,839.969849
	C2303.890381,840.648010 2304.011963,841.333801 2304.326172,843.046875
	C2299.343994,855.209106 2294.169434,866.344116 2286.535400,878.711426
	C2278.125244,880.063538 2272.007568,879.331543 2266.253662,880.457520
	C2246.232910,884.375427 2226.045166,886.645630 2205.732666,888.110413
	C2203.118408,888.298828 2200.520508,888.834656 2197.938965,889.334045
	C2172.803467,894.196472 2147.654297,898.993347 2122.553711,904.030457
	C2116.145996,905.316406 2109.748535,907.003967 2103.663574,909.334961
	C2101.872803,910.020935 2101.171387,913.550110 2099.970703,915.776306
	C2087.579102,914.323730 2075.074463,913.494263 2062.821289,911.276245
	C2043.203247,907.724854 2023.492554,908.176453 2001.910889,908.596313
	C1997.025391,908.579590 1993.977661,908.275818 1989.425537,907.661072
z"/>
<path fill="#1B2435" opacity="1.000000" stroke="none"
	d="
M1748.696045,941.287109
	C1762.190063,930.342896 1778.593506,924.639038 1794.164673,917.419434
	C1812.776733,908.789917 1832.187988,901.857422 1851.388306,894.544861
	C1855.605103,892.938782 1860.391479,892.827515 1866.520264,892.069275
	C1866.704712,900.526733 1865.290649,908.943848 1863.862183,917.358459
	C1862.631836,924.605103 1858.266602,929.511536 1851.470093,931.471619
	C1829.751099,937.735168 1809.206543,946.732849 1789.286987,957.264282
	C1782.875244,960.654114 1776.939941,959.817993 1770.300415,957.241333
	C1761.932617,953.993958 1756.254028,947.556824 1748.696045,941.287109
z"/>
<path fill="#0D3585" opacity="1.000000" stroke="none"
	d="
M2511.256836,788.819458
	C2522.069092,801.234863 2528.518799,816.283875 2531.189697,835.280396
	C2514.405762,842.319275 2498.418457,839.140015 2482.589111,839.905518
	C2474.013184,840.320251 2465.568115,838.679688 2457.035400,837.481506
	C2443.386719,835.564880 2429.053467,835.321350 2415.455811,837.354553
	C2406.246582,838.731506 2397.177979,839.940674 2387.921875,839.977966
	C2370.642822,840.047546 2353.363525,839.986450 2336.084229,839.979736
	C2336.158203,839.326111 2336.078125,838.605225 2336.329834,838.029114
	C2340.000977,829.621277 2343.063232,820.857422 2347.609375,812.948059
	C2351.907227,805.471497 2350.419678,795.876953 2358.098145,788.633789
	C2364.932129,789.184448 2370.669678,791.758789 2376.427246,791.804443
	C2418.416992,792.137451 2460.410400,791.995239 2502.402588,791.867126
	C2504.954102,791.859314 2507.501709,790.689148 2511.256836,788.819458
z"/>
<path fill="#0B2D73" opacity="1.000000" stroke="none"
	d="
M2335.526855,840.939270
	C2353.363525,839.986450 2370.642822,840.047546 2387.921875,839.977966
	C2397.177979,839.940674 2406.246582,838.731506 2415.455811,837.354553
	C2429.053467,835.321350 2443.386719,835.564880 2457.035400,837.481506
	C2465.568115,838.679688 2474.013184,840.320251 2482.589111,839.905518
	C2498.418457,839.140015 2514.405762,842.319275 2531.298828,836.794739
	C2534.318359,836.754944 2536.127197,837.966919 2538.913818,839.669434
	C2545.115479,853.795959 2550.339355,867.431824 2553.842285,882.528503
	C2482.160889,883.993225 2412.200195,883.999084 2342.239502,883.996704
	C2337.576416,883.996582 2332.833496,884.438721 2328.278076,883.720947
	C2325.259277,883.245300 2322.508789,881.065918 2319.638184,879.649292
	C2322.569824,870.143860 2325.501465,860.638428 2328.718262,849.646606
	C2330.991943,846.072998 2332.980713,843.985901 2335.526855,840.939270
z"/>
<path fill="#5B73A4" opacity="1.000000" stroke="none"
	d="
M2568.750244,839.896484
	C2567.461182,837.930115 2566.172363,835.963745 2564.205811,833.035095
	C2560.923096,825.063477 2558.318115,818.054138 2557.278809,809.594910
	C2565.330322,809.412537 2571.797607,811.651611 2578.304932,811.774658
	C2602.882568,812.239197 2626.973145,816.534302 2651.261475,819.497498
	C2670.966553,821.901550 2690.567139,824.744568 2710.118408,828.046936
	C2715.984863,829.037903 2721.705566,831.217712 2727.590088,831.719360
	C2759.424316,834.433411 2790.082031,843.151733 2820.867432,850.666016
	C2863.375732,861.041748 2905.900146,871.674133 2946.999512,887.116455
	C2955.680420,890.378235 2964.603027,893.505615 2974.236084,891.569397
	C2979.440918,905.769470 2979.440918,905.769470 2978.404541,919.014038
	C2964.823486,918.783325 2951.725342,914.985901 2938.392334,913.030457
	C2925.438965,911.130676 2912.398193,909.827881 2897.448975,906.577576
	C2889.606445,895.133301 2878.802246,894.773010 2869.607178,892.407898
	C2840.901367,885.024414 2812.532959,876.239685 2783.250977,871.114807
	C2772.895752,869.302368 2762.752930,866.291321 2752.493164,863.914001
	C2734.526855,859.751038 2716.429199,856.590271 2698.057373,854.493408
	C2682.421631,852.708862 2667.179932,847.854309 2651.222656,847.895386
	C2647.967285,847.903748 2644.690186,847.103210 2641.456543,846.496338
	C2622.677734,842.971802 2604.007568,838.673706 2584.655518,839.940491
	C2579.377197,840.286011 2574.053223,839.930298 2568.750244,839.896484
z"/>
<path fill="#637EB2" opacity="1.000000" stroke="none"
	d="
M2973.956055,890.013794
	C2964.603027,893.505615 2955.680420,890.378235 2946.999512,887.116455
	C2905.900146,871.674133 2863.375732,861.041748 2820.867432,850.666016
	C2790.082031,843.151733 2759.424316,834.433411 2727.590088,831.719360
	C2721.705566,831.217712 2715.984863,829.037903 2710.118408,828.046936
	C2690.567139,824.744568 2670.966553,821.901550 2651.261475,819.497498
	C2626.973145,816.534302 2602.882568,812.239197 2578.304932,811.774658
	C2571.797607,811.651611 2565.330322,809.412537 2557.114502,808.182129
	C2552.957764,803.687317 2550.531250,799.155518 2549.814453,793.312378
	C2566.852051,790.718262 2581.748291,794.241943 2596.844727,795.726501
	C2611.256104,797.143799 2625.664795,796.500000 2640.201416,799.447937
	C2665.966797,804.672791 2692.302490,806.712402 2718.280029,811.328735
	C2749.440918,816.866150 2780.464355,823.034790 2811.288086,829.986267
	C2853.831055,839.580688 2895.947998,850.972229 2937.391602,864.748474
	C2947.337891,868.054749 2957.858887,869.631165 2968.115723,872.003113
	C2968.953613,872.930176 2969.747803,873.893188 2971.249023,875.450928
	C2972.558105,880.159241 2973.117188,884.308777 2973.956055,890.013794
z"/>
<path fill="#6580B4" opacity="1.000000" stroke="none"
	d="
M2968.125977,870.564270
	C2957.858887,869.631165 2947.337891,868.054749 2937.391602,864.748474
	C2895.947998,850.972229 2853.831055,839.580688 2811.288086,829.986267
	C2780.464355,823.034790 2749.440918,816.866150 2718.280029,811.328735
	C2692.302490,806.712402 2665.966797,804.672791 2640.201416,799.447937
	C2625.664795,796.500000 2611.256104,797.143799 2596.844727,795.726501
	C2581.748291,794.241943 2566.852051,790.718262 2549.696777,792.004822
	C2545.405029,787.516113 2542.940918,783.023804 2540.342285,777.250793
	C2550.842773,775.982666 2561.490967,775.681763 2572.108643,776.116821
	C2579.323486,776.412354 2586.500732,777.704163 2593.684814,778.628601
	C2595.647949,778.881165 2597.557861,779.636292 2599.520996,779.786743
	C2618.618896,781.249756 2637.742188,782.416809 2656.817871,784.122009
	C2667.977783,785.119568 2679.168213,786.391785 2690.164062,788.489746
	C2727.094238,795.536011 2763.984619,802.805847 2800.811523,810.372681
	C2840.995117,818.629211 2880.446045,829.719360 2919.658203,841.733826
	C2931.632324,845.402588 2943.727783,849.323425 2958.350098,848.004883
	C2962.763672,855.046570 2965.449951,862.085999 2968.125977,870.564270
z"/>
<path fill="#6C88BF" opacity="1.000000" stroke="none"
	d="
M1705.854004,3916.837402
	C1703.202148,3918.751465 1700.550049,3920.665527 1696.955566,3923.380371
	C1683.615356,3929.318848 1671.217651,3934.456299 1657.373535,3939.609375
	C1655.652222,3935.131348 1653.004395,3932.635254 1649.164429,3930.616943
	C1636.874512,3924.157227 1624.491211,3917.824463 1612.561523,3910.739258
	C1577.744385,3890.061768 1542.232544,3870.371582 1508.716431,3847.742188
	C1481.300537,3829.231445 1452.680908,3812.211426 1427.743774,3790.038330
	C1416.881104,3780.379883 1404.792725,3772.077881 1393.082642,3763.400391
	C1378.157349,3752.340088 1364.098999,3740.240723 1349.733765,3728.509277
	C1338.881348,3719.646240 1328.509399,3710.450928 1318.663574,3700.577148
	C1316.337524,3698.244629 1314.499023,3695.425293 1311.982178,3691.393311
	C1325.235718,3685.055664 1338.943237,3680.155029 1354.669922,3676.327637
	C1363.107422,3684.104248 1368.937134,3691.525635 1376.061768,3697.367920
	C1392.919556,3711.191162 1410.314453,3724.366455 1427.635864,3737.615723
	C1450.747559,3755.294189 1473.548706,3773.428223 1497.320190,3790.179199
	C1517.848999,3804.645020 1539.852783,3816.999512 1560.663086,3831.087402
	C1599.188721,3857.167236 1640.872681,3877.680664 1681.311157,3900.377686
	C1690.002441,3905.255859 1698.350342,3910.334961 1705.854004,3916.837402
z"/>
<path fill="#030710" opacity="1.000000" stroke="none"
	d="
M1695.460815,3814.448486
	C1689.646484,3815.791016 1684.182495,3816.185303 1678.659180,3812.575439
	C1670.428223,3807.196045 1661.299072,3803.941650 1648.454712,3803.357666
	C1633.905151,3789.658936 1622.085449,3776.649658 1610.468750,3763.461426
	C1608.384766,3761.095459 1607.140381,3757.989990 1605.057373,3753.887695
	C1587.794067,3726.752197 1573.253784,3699.685303 1559.356445,3670.671875
	C1552.398071,3649.890625 1545.864746,3630.487793 1538.914917,3611.235596
	C1537.459717,3607.204590 1534.470093,3603.727539 1531.940796,3599.591553
	C1515.799194,3605.352295 1501.747070,3612.499512 1486.534180,3620.397461
	C1471.390259,3626.940918 1457.672119,3633.318115 1442.504395,3639.887695
	C1428.701660,3645.389404 1416.348389,3650.699219 1402.528809,3656.126465
	C1390.084717,3659.987305 1379.107056,3663.730713 1368.129395,3667.474121
	C1368.035522,3662.922119 1367.408203,3658.858154 1363.609741,3655.368896
	C1361.564941,3653.490723 1361.167847,3649.818359 1360.697021,3644.868652
	C1362.472290,3642.112061 1363.372192,3641.232178 1365.516846,3640.128906
	C1376.631836,3636.005371 1386.296753,3631.895264 1397.376221,3627.673828
	C1407.206177,3623.743164 1415.621582,3619.923828 1425.473389,3616.010742
	C1436.548828,3611.545654 1446.187988,3607.174072 1457.162598,3602.610840
	C1468.316528,3597.532471 1478.134766,3592.645996 1489.328003,3587.467529
	C1499.562012,3582.791016 1508.362427,3578.282959 1517.299927,3574.064941
	C1523.576660,3571.102539 1525.996704,3566.396729 1524.864014,3557.936523
	C1523.205322,3541.471680 1521.549805,3526.751221 1520.020996,3510.201660
	C1519.923218,3494.972656 1519.698608,3481.572510 1519.669678,3466.321289
	C1520.034058,3449.649902 1520.202759,3434.829590 1521.435669,3418.851318
	C1524.245728,3406.672119 1526.062500,3395.661133 1527.716431,3384.626221
	C1529.177490,3374.879150 1530.731689,3365.133301 1531.740234,3355.334961
	C1532.777832,3345.254883 1528.263794,3340.281982 1518.334351,3340.137207
	C1514.398193,3340.079834 1510.379517,3340.392334 1506.521606,3341.157715
	C1488.432617,3344.746094 1470.240601,3347.485107 1450.187500,3348.679688
	C1441.491577,3349.796631 1434.458374,3351.273926 1427.358032,3351.752686
	C1418.230469,3352.368164 1409.048706,3352.182373 1398.083252,3352.251221
	C1384.191284,3352.083008 1372.106567,3352.005127 1358.396240,3351.770996
	C1341.772217,3349.451660 1326.773804,3347.288818 1310.392334,3344.964355
	C1303.848755,3344.953369 1300.273804,3348.079102 1298.254883,3352.169678
	C1293.105835,3362.602783 1288.562866,3373.334961 1283.030884,3385.097168
	C1277.781616,3396.208252 1273.278931,3406.169434 1268.120850,3417.410645
	C1263.460327,3428.395020 1259.455444,3438.098877 1254.496338,3448.785645
	C1250.310547,3458.501709 1247.079102,3467.235107 1242.995850,3477.089844
	C1238.551758,3488.047852 1234.959595,3497.884277 1230.725342,3507.875244
	C1230.083374,3508.029785 1228.808350,3508.374268 1228.808350,3508.374268
	C1220.373779,3508.002686 1215.343628,3501.480713 1208.352783,3494.776611
	C1210.744385,3482.812500 1213.749756,3473.463623 1217.764648,3463.176270
	C1223.615967,3449.543945 1228.457764,3436.849854 1234.255005,3423.231445
	C1240.964478,3408.384033 1246.718628,3394.460938 1253.511597,3379.601562
	C1261.223145,3365.943604 1267.249756,3352.967773 1270.997559,3339.137207
	C1268.856079,3337.415771 1267.527466,3335.646484 1265.799683,3335.066162
	C1246.568726,3328.604004 1227.276001,3322.325684 1206.795410,3315.286865
	C1178.515015,3300.159912 1151.439209,3285.743896 1123.582031,3270.259521
	C1108.568359,3257.880615 1094.335938,3246.570068 1080.079102,3233.703857
	C1080.821411,3223.684082 1076.523560,3216.822754 1072.824341,3209.832764
	C1069.311768,3203.196289 1067.012573,3196.472900 1070.580200,3189.623535
	C1074.677979,3193.101318 1077.522827,3195.905029 1080.430542,3198.642334
	C1158.925903,3272.538818 1252.244141,3313.697754 1359.314331,3323.091553
	C1410.665649,3327.596680 1461.698730,3323.461426 1512.921631,3310.788330
	C1515.983276,3309.985596 1517.941040,3308.968750 1521.213257,3307.879639
	C1524.214966,3307.342773 1525.902222,3306.877930 1528.539795,3306.638428
	C1530.917847,3306.613770 1531.868164,3305.803955 1532.359131,3304.320801
	C1532.376953,3304.208008 1532.179810,3304.092773 1533.709717,3304.210449
	C1540.905518,3302.647461 1546.687134,3301.274658 1552.208008,3299.206299
	C1558.786377,3296.741211 1564.918213,3295.800537 1570.549683,3301.146729
	C1576.820923,3307.100586 1575.832520,3313.806152 1573.300903,3321.158691
	C1571.189819,3327.289795 1570.155518,3333.791748 1568.036133,3341.561523
	C1551.025146,3400.501709 1545.772217,3458.935791 1551.049072,3518.579102
	C1560.687500,3627.520020 1603.961426,3720.656006 1680.368408,3798.634277
	C1685.467651,3803.838623 1690.433228,3809.173828 1695.460815,3814.448486
z"/>
<path fill="#5E77A9" opacity="1.000000" stroke="none"
	d="
M1367.141846,3668.199219
	C1379.107056,3663.730713 1390.084717,3659.987305 1402.656128,3657.509033
	C1408.796143,3669.665039 1418.028687,3676.337891 1426.786133,3683.294434
	C1434.012329,3689.034912 1442.268188,3693.540283 1449.177979,3699.606689
	C1475.074585,3722.343262 1503.836426,3741.213379 1531.777222,3761.150391
	C1548.442505,3773.042236 1566.251709,3783.348877 1583.697388,3794.124268
	C1606.759766,3808.368652 1629.820435,3822.627930 1653.184814,3836.365723
	C1663.457031,3842.405029 1674.322388,3847.521484 1685.229736,3852.354736
	C1689.889160,3854.419922 1695.344238,3854.689941 1700.437744,3855.775879
	C1716.817505,3866.464111 1732.074341,3878.653320 1749.830688,3890.374268
	C1736.122070,3902.036865 1722.437378,3909.459229 1707.168335,3916.654785
	C1698.350342,3910.334961 1690.002441,3905.255859 1681.311157,3900.377686
	C1640.872681,3877.680664 1599.188721,3857.167236 1560.663086,3831.087402
	C1539.852783,3816.999512 1517.848999,3804.645020 1497.320190,3790.179199
	C1473.548706,3773.428223 1450.747559,3755.294189 1427.635864,3737.615723
	C1410.314453,3724.366455 1392.919556,3711.191162 1376.061768,3697.367920
	C1368.937134,3691.525635 1363.107422,3684.104248 1356.183350,3676.042236
	C1359.169678,3672.763916 1362.661987,3670.843994 1367.141846,3668.199219
z"/>
<path fill="#9FAABE" opacity="1.000000" stroke="none"
	d="
M1205.133301,3580.143066
	C1209.389160,3567.435791 1213.645020,3554.728271 1220.228271,3541.113770
	C1225.384766,3541.841553 1228.723022,3542.962891 1230.965698,3545.188477
	C1262.643066,3576.621582 1294.161499,3608.214600 1325.751099,3639.736084
	C1329.138916,3643.116699 1332.005493,3646.665771 1331.948486,3651.772461
	C1321.023071,3655.925781 1310.097656,3660.079102 1296.544434,3663.461914
	C1285.861206,3650.550293 1275.304321,3640.956543 1264.046753,3631.804199
	C1255.500244,3624.856689 1248.009644,3616.566406 1240.347290,3608.587402
	C1232.659302,3600.582275 1225.360840,3592.203613 1217.850220,3584.026855
	C1214.398560,3580.268799 1209.808838,3580.011475 1205.133301,3580.143066
z"/>
<path fill="#8D98AB" opacity="1.000000" stroke="none"
	d="
M1333.413452,3651.784180
	C1332.005493,3646.665771 1329.138916,3643.116699 1325.751099,3639.736084
	C1294.161499,3608.214600 1262.643066,3576.621582 1230.965698,3545.188477
	C1228.723022,3542.962891 1225.384766,3541.841553 1221.161499,3540.050781
	C1222.734497,3530.393311 1225.702026,3520.892334 1228.739014,3509.882812
	C1228.808350,3508.374268 1230.083374,3508.029785 1232.147949,3508.062012
	C1237.545776,3510.138428 1241.485229,3511.600098 1244.106201,3514.328369
	C1254.646606,3525.299316 1265.077881,3536.352783 1275.125488,3547.832764
	C1292.969849,3568.221680 1311.861938,3587.920898 1333.321411,3604.931396
	C1343.660400,3613.126465 1352.570190,3623.164062 1361.794189,3632.689941
	C1363.402100,3634.350586 1363.351318,3637.617188 1364.066650,3640.142090
	C1363.372192,3641.232178 1362.472290,3642.112061 1360.652100,3643.411377
	C1351.584473,3646.626221 1343.231445,3649.211182 1333.413452,3651.784180
z"/>
<path fill="#B3BED3" opacity="1.000000" stroke="none"
	d="
M1204.472168,3581.508301
	C1209.808838,3580.011475 1214.398560,3580.268799 1217.850220,3584.026855
	C1225.360840,3592.203613 1232.659302,3600.582275 1240.347290,3608.587402
	C1248.009644,3616.566406 1255.500244,3624.856689 1264.046753,3631.804199
	C1275.304321,3640.956543 1285.861206,3650.550293 1295.055176,3663.394287
	C1281.145142,3669.405273 1266.096680,3674.713623 1249.508789,3679.923340
	C1248.189453,3674.408691 1247.442871,3669.431641 1243.259766,3665.313232
	C1231.041748,3653.284912 1218.952148,3641.125732 1206.871216,3628.959229
	C1203.404053,3625.467773 1199.297241,3623.834961 1192.942627,3623.826172
	C1195.567749,3610.119629 1199.689331,3596.496338 1204.472168,3581.508301
z"/>
<path fill="#6E8BC2" opacity="1.000000" stroke="none"
	d="
M931.929932,3219.715820
	C935.597290,3207.351074 939.982178,3196.291016 946.754150,3184.535889
	C953.618591,3184.568604 955.705078,3187.942627 957.675720,3191.487549
	C970.880798,3215.240723 983.760620,3239.182861 997.411438,3262.677246
	C1011.715576,3287.296631 1026.271484,3311.799072 1041.628540,3335.769043
	C1056.625244,3359.176270 1072.660645,3381.923584 1088.444458,3404.819824
	C1106.474365,3430.974121 1125.842773,3456.109619 1146.283081,3480.440674
	C1156.052612,3492.069580 1164.995850,3504.389893 1174.665527,3516.106445
	C1179.235840,3521.644531 1183.646606,3527.964355 1192.131348,3527.990479
	C1188.570679,3539.211426 1185.010010,3550.432129 1180.586914,3562.837891
	C1174.621582,3563.990967 1170.681152,3561.452393 1167.860962,3557.578613
	C1155.737549,3540.927490 1141.996948,3525.667236 1128.667236,3510.004395
	C1107.639771,3485.296875 1087.957764,3459.372559 1068.828613,3433.144775
	C1053.992676,3412.803467 1041.276367,3390.929932 1026.879517,3370.251465
	C1010.941589,3347.359619 995.474365,3324.195068 981.637512,3299.980957
	C970.102600,3279.795166 958.727722,3259.511230 947.709290,3239.040527
	C943.855103,3231.880127 939.877136,3225.189697 931.929932,3219.715820
z"/>
<path fill="#5C75A6" opacity="1.000000" stroke="none"
	d="
M1216.755249,3464.114746
	C1213.749756,3473.463623 1210.744385,3482.812500 1207.555664,3493.590576
	C1207.372559,3495.019775 1205.648315,3495.505859 1203.322876,3495.739014
	C1191.573486,3496.424316 1186.461792,3489.417725 1181.758789,3483.379395
	C1169.961060,3468.231689 1157.464844,3453.607178 1145.844727,3438.404541
	C1123.347534,3408.971191 1102.806885,3378.043457 1081.405884,3347.770264
	C1058.038086,3314.714844 1037.440796,3279.909668 1016.698486,3245.203369
	C1009.898010,3233.824463 1003.574097,3222.144531 997.425415,3210.396484
	C989.139587,3194.565430 981.091064,3178.604736 973.240356,3162.553467
	C970.364258,3156.672607 965.663208,3155.719482 960.043396,3156.011963
	C959.970459,3155.331787 959.897583,3154.651367 960.620544,3151.879883
	C963.719849,3145.828125 966.645081,3142.092285 968.183533,3137.853516
	C970.588196,3131.227539 975.035767,3127.089355 980.466614,3124.020020
	C981.765747,3124.593262 982.552490,3124.684570 982.878967,3125.120605
	C999.390747,3147.171387 1015.863159,3169.251221 1032.222534,3192.943115
	C1031.302734,3201.470703 1033.453003,3207.633789 1036.838989,3213.511719
	C1047.079834,3231.289062 1057.106323,3249.192627 1067.576294,3266.833496
	C1075.337891,3279.910889 1083.411987,3292.819824 1091.808350,3305.498047
	C1099.449951,3317.036621 1108.503906,3327.697754 1115.511719,3339.584717
	C1125.290405,3356.171631 1136.929810,3371.339355 1148.468994,3386.613770
	C1165.179932,3408.734863 1182.022095,3430.759521 1199.091064,3452.604736
	C1203.526123,3458.280518 1208.315552,3464.213867 1216.755249,3464.114746
z"/>
<path fill="#6580B4" opacity="1.000000" stroke="none"
	d="
M959.013306,3156.905029
	C965.663208,3155.719482 970.364258,3156.672607 973.240356,3162.553467
	C981.091064,3178.604736 989.139587,3194.565430 997.425415,3210.396484
	C1003.574097,3222.144531 1009.898010,3233.824463 1016.698486,3245.203369
	C1037.440796,3279.909668 1058.038086,3314.714844 1081.405884,3347.770264
	C1102.806885,3378.043457 1123.347534,3408.971191 1145.844727,3438.404541
	C1157.464844,3453.607178 1169.961060,3468.231689 1181.758789,3483.379395
	C1186.461792,3489.417725 1191.573486,3496.424316 1202.460083,3495.979004
	C1200.569336,3505.898926 1197.215942,3515.812012 1192.996826,3526.857910
	C1183.646606,3527.964355 1179.235840,3521.644531 1174.665527,3516.106445
	C1164.995850,3504.389893 1156.052612,3492.069580 1146.283081,3480.440674
	C1125.842773,3456.109619 1106.474365,3430.974121 1088.444458,3404.819824
	C1072.660645,3381.923584 1056.625244,3359.176270 1041.628540,3335.769043
	C1026.271484,3311.799072 1011.715576,3287.296631 997.411438,3262.677246
	C983.760620,3239.182861 970.880798,3215.240723 957.675720,3191.487549
	C955.705078,3187.942627 953.618591,3184.568604 947.608032,3183.486328
	C950.044373,3174.687012 954.013794,3166.242676 959.013306,3156.905029
z"/>
<path fill="#384052" opacity="1.000000" stroke="none"
	d="
M824.144043,2981.293945
	C828.649109,2980.758789 833.180115,2981.562012 837.536133,2982.924805
	C844.420532,2985.078857 851.187561,2987.607910 858.986328,2992.642334
	C860.764221,2999.828857 861.001160,3004.541016 862.461548,3008.837402
	C866.713562,3021.346924 871.100647,3033.833984 876.072693,3046.070801
	C889.502441,3079.123779 903.252197,3112.046875 916.903625,3145.009521
	C918.921692,3149.881836 922.930298,3151.788330 927.951538,3152.009766
	C923.441162,3162.137939 918.930786,3172.266357 913.353638,3183.204102
	C907.908386,3183.834229 904.942688,3181.783936 902.966797,3177.777100
	C896.798767,3165.270020 889.760559,3153.146729 884.292603,3140.348389
	C868.950623,3104.437500 853.086426,3068.719238 840.434448,3031.719971
	C834.880249,3015.477539 829.532715,2999.164795 824.144043,2981.293945
z"/>
<path fill="#060D1F" opacity="1.000000" stroke="none"
	d="
M1032.339966,3191.328125
	C1015.863159,3169.251221 999.390747,3147.171387 982.878967,3125.120605
	C982.552490,3124.684570 981.765747,3124.593262 980.466614,3124.020020
	C975.035767,3127.089355 970.588196,3131.227539 968.183533,3137.853516
	C966.645081,3142.092285 963.719849,3145.828125 960.511841,3150.859375
	C955.817505,3150.031006 951.953857,3148.264893 948.260742,3146.194336
	C945.052856,3144.395752 942.038025,3142.252930 938.043457,3138.930664
	C939.450073,3133.076904 941.751160,3128.554443 945.173950,3123.207031
	C948.819397,3117.717773 951.141296,3112.929688 953.904358,3108.411865
	C962.394287,3094.529053 961.474731,3081.130615 953.731262,3067.031006
	C947.400085,3055.502930 941.783203,3043.704590 938.526917,3030.509033
	C933.815796,3011.417969 924.632446,3005.572754 904.086548,3003.981201
	C901.443115,3003.776123 898.774414,3003.897705 895.167419,3002.843262
	C885.479065,2998.552246 876.740723,2995.285889 868.002380,2992.019531
	C867.175293,2986.309082 866.219971,2980.612305 865.597290,2974.879639
	C865.403870,2973.099365 866.112671,2971.221191 869.016296,2968.635498
	C886.950256,2971.145996 901.508240,2977.961670 917.007202,2978.422852
	C922.075073,2973.354736 920.433777,2967.891357 919.560608,2962.857910
	C917.305786,2949.859619 914.593872,2936.940430 912.252930,2922.222656
	C911.999512,2913.195312 911.455017,2905.938965 911.136047,2898.673096
	C910.354431,2880.868164 909.536011,2863.061523 909.091431,2845.246826
	C909.014526,2842.162354 910.698608,2839.034180 912.998535,2836.153320
	C920.056030,2837.617188 919.915649,2842.881836 921.455322,2846.800537
	C924.147461,2853.653320 928.832947,2856.839111 936.641113,2857.724609
	C938.302917,2879.947754 938.177551,2900.636963 940.933289,2920.935303
	C953.947144,3016.792725 992.051941,3101.410400 1056.517212,3173.875977
	C1060.898071,3178.800537 1065.081421,3183.900391 1069.356567,3188.918945
	C1067.012573,3196.472900 1069.311768,3203.196289 1072.824341,3209.832764
	C1076.523560,3216.822754 1080.821411,3223.684082 1078.851562,3233.272949
	C1072.353394,3229.559326 1066.965088,3224.817627 1061.782715,3219.861084
	C1051.906372,3210.415039 1042.147583,3200.845947 1032.339966,3191.328125
z"/>
<path fill="#2B3343" opacity="1.000000" stroke="none"
	d="
M866.656860,2992.027344
	C876.740723,2995.285889 885.479065,2998.552246 895.123657,3004.464600
	C897.385742,3013.545654 897.989624,3020.258301 900.243225,3026.361816
	C906.204834,3042.508301 912.151794,3058.733887 919.469971,3074.285400
	C927.338684,3091.007080 931.884583,3109.430908 944.052246,3124.031982
	C941.751160,3128.554443 939.450073,3133.076904 936.691040,3138.775879
	C934.161377,3143.525146 932.089783,3147.098389 928.984863,3151.340576
	C922.930298,3151.788330 918.921692,3149.881836 916.903625,3145.009521
	C903.252197,3112.046875 889.502441,3079.123779 876.072693,3046.070801
	C871.100647,3033.833984 866.713562,3021.346924 862.461548,3008.837402
	C861.001160,3004.541016 860.764221,2999.828857 859.947876,2993.703125
	C861.722107,2992.078125 863.516663,2992.056641 866.656860,2992.027344
z"/>
<path fill="#6C88BF" opacity="1.000000" stroke="none"
	d="
M752.468750,2528.471924
	C766.542847,2532.876465 780.418335,2539.248535 795.032227,2548.149902
	C794.994263,2554.526123 792.823181,2558.717285 793.673523,2562.162354
	C798.307739,2580.936279 795.278992,2600.330566 799.515137,2619.291504
	C803.083008,2635.261230 802.743408,2652.100342 804.205505,2668.548340
	C804.380005,2670.511475 805.034363,2672.429199 805.420349,2674.376953
	C808.882996,2691.854248 813.389648,2709.203613 815.559692,2726.840088
	C819.445312,2758.419189 827.500305,2789.096436 834.224243,2820.040771
	C842.097961,2856.276367 852.365662,2891.924805 864.217224,2927.096436
	C866.959412,2935.234131 869.100342,2943.583496 871.281799,2951.897705
	C872.528992,2956.650879 872.143799,2961.179443 867.571228,2964.321777
	C853.772888,2959.491943 839.974548,2954.662109 825.084595,2948.895996
	C824.380371,2935.758545 820.150085,2924.531006 816.856628,2913.062256
	C809.168762,2886.290771 800.785400,2859.664307 794.508484,2832.556641
	C787.352905,2801.654541 779.174194,2770.896484 775.727417,2739.206055
	C774.942993,2731.994385 773.251770,2724.854004 771.597595,2717.769531
	C767.525757,2700.331299 765.625793,2682.614990 763.719910,2664.843262
	C762.102844,2649.765137 759.057190,2634.840820 756.679688,2619.842773
	C756.367737,2617.874512 756.110168,2615.873535 756.097900,2613.885986
	C756.020081,2601.263672 755.366760,2588.869385 752.621216,2576.316895
	C750.393066,2566.129883 752.028259,2555.090332 752.018555,2544.428955
	C752.014343,2539.765869 752.181030,2535.102783 752.468750,2528.471924
z"/>
<path fill="#5F79AB" opacity="1.000000" stroke="none"
	d="
M867.808472,2965.163086
	C872.143799,2961.179443 872.528992,2956.650879 871.281799,2951.897705
	C869.100342,2943.583496 866.959412,2935.234131 864.217224,2927.096436
	C852.365662,2891.924805 842.097961,2856.276367 834.224243,2820.040771
	C827.500305,2789.096436 819.445312,2758.419189 815.559692,2726.840088
	C813.389648,2709.203613 808.882996,2691.854248 805.420349,2674.376953
	C805.034363,2672.429199 804.380005,2670.511475 804.205505,2668.548340
	C802.743408,2652.100342 803.083008,2635.261230 799.515137,2619.291504
	C795.278992,2600.330566 798.307739,2580.936279 793.673523,2562.162354
	C792.823181,2558.717285 794.994263,2554.526123 795.982544,2549.139160
	C808.616516,2552.724365 821.038635,2557.849609 834.735107,2563.504395
	C836.009460,2564.033936 835.659485,2564.739502 835.752502,2566.532227
	C833.807434,2591.652100 838.831238,2614.533691 840.567932,2637.606689
	C841.850830,2654.651367 845.317139,2671.554443 848.233582,2688.447510
	C851.598328,2707.937744 855.272522,2727.378662 859.109924,2746.781982
	C861.673523,2759.744873 864.537964,2772.658447 867.647827,2785.501953
	C877.293030,2825.337158 886.963867,2865.167725 897.052368,2904.891846
	C898.485352,2910.533936 901.932129,2915.808350 905.185669,2920.768066
	C906.367920,2922.570557 909.708557,2922.957031 912.064514,2923.989746
	C914.593872,2936.940430 917.305786,2949.859619 919.560608,2962.857910
	C920.433777,2967.891357 922.075073,2973.354736 917.007202,2978.422852
	C901.508240,2977.961670 886.950256,2971.145996 870.103088,2967.776123
	C868.582031,2967.668945 868.045715,2966.004639 867.808472,2965.163086
z"/>
<path fill="#6C88BF" opacity="1.000000" stroke="none"
	d="
M839.874390,1917.046631
	C845.624634,1912.842773 851.428772,1910.414307 858.617065,1909.651123
	C859.901855,1919.269409 859.760437,1926.990112 857.071655,1934.867432
	C850.430664,1954.323853 844.476868,1974.042114 839.012695,1993.866211
	C832.325684,2018.126343 825.129150,2042.359863 820.500305,2067.045166
	C814.653687,2098.224609 806.861694,2129.034668 803.027100,2160.630371
	C800.246094,2183.543945 795.255127,2206.184814 792.286377,2229.081787
	C789.992432,2246.774658 789.307068,2264.676025 787.903503,2282.484619
	C787.799011,2283.810791 787.977234,2285.256836 787.506165,2286.441162
	C782.143005,2299.925293 784.502625,2314.045410 783.971558,2327.924072
	C779.535156,2330.563721 775.098877,2333.203369 769.345459,2335.955566
	C768.355042,2320.184082 766.504272,2304.201660 771.616028,2288.575684
	C772.999023,2284.348145 771.932556,2279.321289 772.001282,2274.661377
	C772.128540,2266.046875 771.266602,2257.368408 774.916809,2249.081299
	C775.940002,2246.758545 775.858398,2243.862793 775.930359,2241.220215
	C776.671143,2214.006592 782.102356,2187.462158 787.095886,2160.836182
	C790.138306,2144.613281 792.534241,2128.270020 795.337830,2112.000977
	C802.089783,2072.820068 812.316406,2034.430420 822.103455,1995.951294
	C826.675415,1977.976074 831.570251,1960.049438 837.283997,1942.413574
	C839.845520,1934.507080 839.890503,1926.773804 839.874390,1917.046631
z"/>
<path fill="#0D327C" opacity="1.000000" stroke="none"
	d="
M836.043335,2535.784424
	C830.124939,2532.281006 824.206543,2528.777344 817.140320,2524.622559
	C815.978638,2466.247070 815.964722,2408.523193 815.913391,2348.801025
	C825.938477,2341.839600 836.014221,2336.902588 846.055542,2331.896729
	C848.992676,2330.432617 851.832520,2328.773682 856.952026,2325.865723
	C862.006042,2324.224365 864.825012,2323.921631 868.880249,2324.819824
	C870.744263,2332.534424 871.905579,2339.047119 871.917725,2345.561768
	C872.043762,2413.142578 871.984680,2480.723633 870.522888,2548.102539
	C858.060303,2543.861816 847.051819,2539.823242 836.043335,2535.784424
z"/>
<path fill="#04060F" opacity="1.000000" stroke="none"
	d="
M867.644043,2323.618652
	C864.825012,2323.921631 862.006042,2324.224365 857.797485,2324.789551
	C852.424927,2318.411621 851.493347,2311.149414 853.230713,2301.240723
	C862.894714,2294.926758 871.362366,2290.959473 881.221619,2286.812012
	C895.022583,2281.490479 907.431946,2276.349121 921.261658,2270.982910
	C936.289734,2265.673340 949.943115,2260.706055 963.488953,2255.461182
	C972.351929,2252.029785 974.046570,2248.411377 970.325806,2240.428711
	C960.285034,2218.887451 950.007019,2197.456543 939.687134,2174.478760
	C931.516052,2150.011475 924.767456,2126.689453 919.793152,2102.857910
	C919.278870,2100.394287 917.799744,2098.132324 916.726929,2094.046387
	C915.134766,2074.881348 913.583984,2057.446289 912.033203,2040.011230
	C920.158020,2039.441528 921.874268,2032.821655 923.744690,2026.905151
	C925.390747,2021.698242 928.685120,2019.972168 935.661316,2021.528442
	C939.797913,2052.217529 942.962341,2081.227783 950.238586,2109.664307
	C980.753784,2228.921387 1048.485840,2321.663086 1150.197144,2390.101318
	C1159.506470,2396.365234 1169.653687,2401.384033 1180.250000,2407.867188
	C1188.716431,2412.478760 1196.344482,2416.204346 1204.723145,2421.143066
	C1210.129150,2426.406982 1212.959351,2431.295166 1211.656006,2437.648193
	C1210.528442,2443.143311 1206.429443,2446.195557 1201.836548,2448.891357
	C1195.806152,2452.430420 1189.969971,2456.300537 1182.678345,2460.301025
	C1157.065430,2473.266357 1134.609985,2488.687988 1113.485474,2505.975098
	C1020.817444,2581.809326 962.280701,2677.833252 942.886963,2796.630859
	C939.681580,2816.265625 938.368713,2836.209473 936.181274,2856.010498
	C928.832947,2856.839111 924.147461,2853.653320 921.455322,2846.800537
	C919.915649,2842.881836 920.056030,2837.617188 912.871582,2834.349609
	C911.873535,2820.293213 912.431641,2808.267822 913.860657,2795.008301
	C918.893005,2774.571045 922.801697,2755.307617 927.307922,2736.185303
	C930.161621,2724.075195 933.905823,2712.175049 938.183105,2699.210938
	C944.657104,2685.599365 950.019653,2672.875244 955.798523,2660.343018
	C960.205444,2650.786133 965.478027,2641.619873 969.674438,2631.979004
	C971.352539,2628.123535 971.176453,2623.461182 971.883423,2618.915527
	C952.989746,2609.738037 934.266968,2603.726074 914.415649,2596.533203
	C899.346802,2590.709473 885.648376,2585.461182 870.765991,2579.458008
	C858.274536,2574.048584 846.967041,2569.394043 835.659546,2564.739502
	C835.659485,2564.739502 836.009460,2564.033936 836.154541,2563.667480
	C836.203979,2555.286133 836.108398,2547.271240 836.028076,2537.520508
	C847.051819,2539.823242 858.060303,2543.861816 871.444153,2549.152344
	C879.228027,2552.607178 884.552612,2555.051758 890.061157,2556.967285
	C905.349915,2562.283936 919.606079,2570.622070 936.899902,2573.767334
	C954.071777,2582.387207 971.112244,2587.560791 989.401917,2592.274414
	C994.467285,2586.721191 999.327515,2581.393066 1005.364441,2575.435791
	C1021.619568,2555.803467 1036.142212,2536.328125 1054.100464,2519.799072
	C1056.469727,2517.618164 1058.132080,2514.668945 1061.317627,2511.478027
	C1072.096680,2502.845459 1081.650391,2494.775146 1091.280273,2486.796631
	C1094.314453,2484.282959 1097.515503,2481.963623 1100.704590,2479.644043
	C1115.611694,2468.802246 1130.590698,2458.058594 1145.441040,2447.139404
	C1152.530762,2441.926758 1153.561157,2438.143066 1148.836426,2430.268555
	C1145.868774,2425.322510 1142.121338,2420.174561 1137.437012,2417.039795
	C1111.084229,2399.404541 1086.227783,2379.981201 1063.407837,2357.954834
	C1062.493774,2357.072510 1061.127686,2356.658691 1059.371338,2354.842285
	C1039.036621,2334.426514 1021.623901,2313.126221 1003.336670,2290.869141
	C998.580139,2284.600098 995.000000,2278.835205 986.844360,2276.791992
	C970.435547,2283.056641 953.178711,2289.644775 934.446838,2296.380371
	C917.624756,2302.444824 902.212646,2308.200928 886.960754,2314.354004
	C880.351624,2317.020264 874.072754,2320.505371 867.644043,2323.618652
z"/>
<path fill="#5C75A6" opacity="1.000000" stroke="none"
	d="
M887.725342,1899.085327
	C894.549377,1896.885254 901.299438,1894.397461 908.231323,1892.617188
	C911.287109,1891.832397 914.711975,1892.484985 918.031006,1892.484985
	C922.371399,1898.018555 919.646057,1903.899170 918.919373,1909.564331
	C916.406311,1929.156982 913.709473,1948.726074 909.361206,1970.379150
	C902.807617,1974.365234 901.020813,1978.334717 899.648438,1983.062988
	C895.222656,1998.311646 889.995483,2013.337891 885.906067,2028.671021
	C882.002258,2043.307983 879.008484,2058.194580 875.844360,2073.020264
	C871.025391,2095.600342 865.915100,2118.134521 861.841370,2140.851807
	C858.005737,2162.241455 850.875549,2183.140625 851.834473,2205.325439
	C852.000427,2209.164307 850.267151,2213.054688 849.681091,2216.961670
	C847.725403,2229.999756 845.308105,2243.006348 844.191040,2256.120850
	C843.239380,2267.293945 844.563843,2278.570801 840.606262,2289.558350
	C839.106018,2293.723633 840.058594,2298.772217 839.893188,2303.418457
	C830.351013,2307.800293 820.808899,2312.182373 809.707031,2314.923340
	C808.257324,2306.626221 807.037476,2299.611572 808.720398,2293.380615
	C814.316162,2272.663574 811.056580,2251.127686 815.715210,2230.284180
	C818.727173,2216.807861 818.327942,2202.604736 820.677979,2188.937256
	C825.270203,2162.229248 831.446594,2135.782227 835.637634,2109.019043
	C841.702759,2070.288330 853.611633,2033.010132 862.681763,1995.037720
	C867.608337,1974.412109 875.013977,1954.385132 881.096436,1934.026855
	C884.501831,1922.628906 888.841064,1911.360718 887.725342,1899.085327
z"/>
<path fill="#516895" opacity="1.000000" stroke="none"
	d="
M841.156921,2303.277344
	C840.058594,2298.772217 839.106018,2293.723633 840.606262,2289.558350
	C844.563843,2278.570801 843.239380,2267.293945 844.191040,2256.120850
	C845.308105,2243.006348 847.725403,2229.999756 849.681091,2216.961670
	C850.267151,2213.054688 852.000427,2209.164307 851.834473,2205.325439
	C850.875549,2183.140625 858.005737,2162.241455 861.841370,2140.851807
	C865.915100,2118.134521 871.025391,2095.600342 875.844360,2073.020264
	C879.008484,2058.194580 882.002258,2043.307983 885.906067,2028.671021
	C889.995483,2013.337891 895.222656,1998.311646 899.648438,1983.062988
	C901.020813,1978.334717 902.807617,1974.365234 908.954346,1972.127808
	C909.861694,1986.287598 909.195801,2000.773071 909.156677,2015.260132
	C909.137146,2022.483521 910.264832,2029.709961 911.453369,2038.473145
	C913.583984,2057.446289 915.134766,2074.881348 915.340881,2094.692627
	C906.671143,2103.084717 905.350769,2111.925781 904.231750,2120.292725
	C900.724304,2146.518311 893.998169,2172.145996 891.131287,2198.548828
	C888.996704,2218.207275 884.003052,2237.565430 883.874634,2257.544189
	C883.853638,2260.805176 882.702515,2264.045166 882.262451,2267.320312
	C881.382446,2273.868164 880.633179,2280.433838 879.829956,2286.992188
	C871.362366,2290.959473 862.894714,2294.926758 853.243591,2299.661621
	C848.846985,2301.331787 845.633789,2302.234375 841.156921,2303.277344
z"/>
<path fill="#6580B4" opacity="1.000000" stroke="none"
	d="
M886.445374,1899.132935
	C888.841064,1911.360718 884.501831,1922.628906 881.096436,1934.026855
	C875.013977,1954.385132 867.608337,1974.412109 862.681763,1995.037720
	C853.611633,2033.010132 841.702759,2070.288330 835.637634,2109.019043
	C831.446594,2135.782227 825.270203,2162.229248 820.677979,2188.937256
	C818.327942,2202.604736 818.727173,2216.807861 815.715210,2230.284180
	C811.056580,2251.127686 814.316162,2272.663574 808.720398,2293.380615
	C807.037476,2299.611572 808.257324,2306.626221 808.262329,2315.143555
	C801.163086,2320.576416 793.948914,2324.147949 785.353149,2327.821777
	C784.502625,2314.045410 782.143005,2299.925293 787.506165,2286.441162
	C787.977234,2285.256836 787.799011,2283.810791 787.903503,2282.484619
	C789.307068,2264.676025 789.992432,2246.774658 792.286377,2229.081787
	C795.255127,2206.184814 800.246094,2183.543945 803.027100,2160.630371
	C806.861694,2129.034668 814.653687,2098.224609 820.500305,2067.045166
	C825.129150,2042.359863 832.325684,2018.126343 839.012695,1993.866211
	C844.476868,1974.042114 850.430664,1954.323853 857.071655,1934.867432
	C859.760437,1926.990112 859.901855,1919.269409 860.005005,1909.602783
	C865.899353,1905.481323 871.790100,1903.073608 878.871338,1899.970825
	C881.763000,1899.244019 883.464233,1899.212280 886.445374,1899.132935
z"/>
<path fill="#6D8AC1" opacity="1.000000" stroke="none"
	d="
M4016.041504,1908.431763
	C4016.041260,1908.431763 4017.990479,1908.063110 4018.967285,1907.892700
	C4033.053223,1913.494751 4046.162109,1919.267090 4060.274170,1926.056519
	C4057.522705,1929.402710 4055.677490,1932.936279 4056.209473,1937.165894
	C4056.781494,1941.712646 4057.910156,1946.221802 4059.155518,1950.646118
	C4067.054443,1978.710815 4075.434570,2006.646851 4082.861816,2034.834595
	C4086.728516,2049.510010 4088.786621,2064.653320 4091.987793,2079.515137
	C4098.389648,2109.236572 4104.419922,2138.993896 4108.373047,2169.187256
	C4111.369629,2192.075439 4115.908203,2214.758301 4119.461426,2237.579346
	C4120.273438,2242.794434 4119.904785,2248.200928 4119.988281,2253.520508
	C4120.124512,2262.140137 4120.238770,2270.573730 4122.732422,2279.144043
	C4124.713867,2285.956055 4123.609863,2293.646729 4124.021973,2300.939453
	C4124.433105,2308.206543 4123.669434,2315.916748 4125.904297,2322.602539
	C4128.332520,2329.864502 4125.817871,2335.564941 4123.771484,2343.460205
	C4115.100586,2341.077637 4106.717773,2337.072754 4097.180664,2330.586426
	C4090.901611,2310.601562 4092.179443,2292.617676 4091.951904,2274.738281
	C4091.901611,2270.772461 4091.658936,2266.749756 4090.926758,2262.862061
	C4087.500732,2244.674072 4083.868408,2226.533203 4083.913330,2207.893799
	C4083.921143,2204.613770 4083.302734,2201.299805 4082.687256,2198.055908
	C4080.595703,2187.031494 4077.851807,2176.104980 4076.301758,2165.008789
	C4071.452393,2130.289795 4063.882812,2096.132324 4056.363770,2061.929443
	C4047.827393,2023.098389 4037.847168,1984.707397 4025.710693,1946.840088
	C4021.689453,1934.293091 4019.220215,1921.248657 4016.041504,1908.431763
z"/>
<path fill="#6580B4" opacity="1.000000" stroke="none"
	d="
M4014.760498,1907.702515
	C4019.220215,1921.248657 4021.689453,1934.293091 4025.710693,1946.840088
	C4037.847168,1984.707397 4047.827393,2023.098389 4056.363770,2061.929443
	C4063.882812,2096.132324 4071.452393,2130.289795 4076.301758,2165.008789
	C4077.851807,2176.104980 4080.595703,2187.031494 4082.687256,2198.055908
	C4083.302734,2201.299805 4083.921143,2204.613770 4083.913330,2207.893799
	C4083.868408,2226.533203 4087.500732,2244.674072 4090.926758,2262.862061
	C4091.658936,2266.749756 4091.901611,2270.772461 4091.951904,2274.738281
	C4092.179443,2292.617676 4090.901611,2310.601562 4096.051270,2329.775391
	C4092.877197,2330.386719 4089.678711,2329.327881 4084.252441,2327.369629
	C4077.392090,2323.974854 4072.759521,2321.479248 4068.100098,2317.201660
	C4067.348145,2296.914307 4069.975342,2278.216553 4064.318848,2259.977539
	C4063.184326,2256.319580 4064.115479,2252.039062 4063.977539,2248.049561
	C4063.839600,2244.066406 4063.891357,2240.036377 4063.280762,2236.116943
	C4059.625000,2212.652100 4055.603760,2189.243164 4052.087646,2165.758057
	C4048.076904,2138.970215 4043.536621,2112.297119 4037.204102,2085.946533
	C4023.579590,2029.252197 4010.420898,1972.438354 3990.758789,1917.394775
	C3988.806152,1911.928467 3988.883545,1905.736938 3988.018799,1899.882080
	C3996.505615,1902.245728 4004.992676,1904.609497 4014.760498,1907.702515
z"/>
<path fill="#103C8D" opacity="1.000000" stroke="none"
	d="
M4104.082031,2499.399658
	C4096.111816,2505.402832 4088.178467,2509.926025 4080.028809,2514.018066
	C4073.107178,2517.493896 4065.935791,2520.472656 4057.437744,2521.985840
	C4056.000000,2477.417725 4055.999756,2434.535889 4056.000488,2391.653809
	C4056.000732,2381.098145 4056.023193,2370.542725 4056.000000,2359.987061
	C4055.989746,2355.293213 4056.147705,2350.691406 4061.835938,2347.767090
	C4070.149170,2350.625244 4077.077881,2353.272705 4084.006348,2355.920410
	C4089.911621,2359.554443 4095.816895,2363.188477 4102.875488,2367.502441
	C4104.587891,2376.865723 4102.085938,2385.159424 4101.066406,2393.608643
	C4100.155273,2401.157959 4103.661133,2409.127686 4103.841797,2416.943604
	C4104.271973,2435.495605 4105.062500,2454.177979 4103.313965,2472.580322
	C4102.488770,2481.264160 4102.692871,2489.374512 4104.082031,2499.399658
z"/>
<path fill="#030715" opacity="1.000000" stroke="none"
	d="
M4084.000244,2354.190430
	C4077.077881,2353.272705 4070.149170,2350.625244 4060.904297,2346.734375
	C4041.732178,2338.368896 4024.876465,2331.246338 4006.812500,2323.439941
	C4000.158691,2320.406250 3994.591553,2318.296143 3989.311035,2315.620117
	C3985.884521,2313.884277 3982.875977,2311.323486 3979.780762,2307.558594
	C3981.246094,2298.890381 3982.610352,2291.795898 3985.286865,2284.921387
	C3992.454102,2287.168213 3998.309082,2289.195068 4005.389404,2291.960938
	C4016.382812,2296.528076 4026.151123,2300.355957 4036.869385,2305.164551
	C4047.921875,2310.424805 4058.024414,2314.704346 4068.126953,2318.983887
	C4072.759521,2321.479248 4077.392090,2323.974854 4082.979492,2327.364990
	C4083.954346,2336.326660 4083.974121,2344.393555 4084.000244,2354.190430
z"/>
<path fill="#6E8BC2" opacity="1.000000" stroke="none"
	d="
M4028.819336,2958.422852
	C4026.177490,2959.606201 4024.414062,2959.784668 4021.330078,2958.284668
	C4020.332520,2951.984619 4019.887207,2947.148438 4021.107910,2942.777344
	C4027.336426,2920.474365 4034.364502,2898.391357 4040.406006,2876.040283
	C4047.302734,2850.525391 4054.601074,2825.032227 4059.640137,2799.124268
	C4065.806641,2767.418945 4073.892578,2736.078857 4077.019775,2703.725342
	C4079.232910,2680.826904 4085.029541,2658.288086 4087.588135,2635.405518
	C4089.565186,2617.725586 4094.046631,2600.165771 4092.125977,2582.114990
	C4091.919434,2580.176514 4092.016846,2577.978760 4092.729736,2576.205322
	C4097.637695,2563.993652 4095.927979,2551.355225 4095.441406,2538.786621
	C4105.223633,2533.685059 4115.005859,2528.583740 4126.192383,2523.288086
	C4127.720215,2540.289062 4129.817383,2557.525635 4124.528320,2574.513428
	C4123.010254,2579.388428 4124.098145,2585.076660 4124.000977,2590.391846
	C4123.819336,2600.310547 4124.937988,2610.323486 4120.838379,2619.891602
	C4119.844727,2622.209717 4120.133789,2625.127686 4120.049316,2627.777100
	C4119.205566,2654.273193 4113.184082,2680.048340 4109.448730,2706.147217
	C4106.920410,2723.812012 4104.456543,2741.401367 4100.315918,2758.795166
	C4095.270264,2779.992188 4090.955811,2801.366943 4086.530518,2822.707520
	C4078.739990,2860.276367 4066.537842,2896.677246 4057.317871,2933.864502
	C4056.684814,2936.416992 4056.516846,2939.084717 4056.167969,2943.384766
	C4047.368164,2949.186279 4038.532959,2953.302246 4028.819336,2958.422852
z"/>
<path fill="#04060F" opacity="1.000000" stroke="none"
	d="
M3983.974854,2284.701172
	C3982.610352,2291.795898 3981.246094,2298.890381 3978.285645,2307.263184
	C3969.799805,2306.945557 3962.909912,2305.349854 3955.090088,2302.699707
	C3940.556641,2295.763184 3926.588623,2290.979980 3911.158447,2286.637695
	C3900.346924,2282.255127 3890.502197,2278.923584 3880.654053,2275.591064
	C3870.942627,2287.806885 3861.968506,2298.958008 3853.214111,2310.279053
	C3852.115234,2311.700439 3852.176514,2314.019775 3850.532227,2316.527832
	C3839.436279,2326.741699 3829.261963,2335.977539 3821.362549,2347.631104
	C3817.057373,2353.982178 3810.019775,2358.469971 3804.272217,2363.859619
	C3801.449951,2366.505859 3798.759766,2369.292725 3794.795654,2372.589355
	C3786.783936,2378.426025 3779.714111,2383.376709 3773.242676,2389.014648
	C3758.225342,2402.098145 3741.840820,2413.222656 3724.946777,2423.643799
	C3714.133057,2430.314697 3713.571533,2437.234863 3723.649170,2445.104248
	C3726.770020,2447.541260 3730.321533,2449.419434 3733.614502,2451.644287
	C3750.612793,2463.128174 3767.841064,2474.280762 3782.911865,2488.394287
	C3785.112305,2490.455078 3788.843750,2490.881104 3792.475586,2493.249023
	C3800.948975,2502.515869 3808.871338,2510.541504 3816.663574,2518.691162
	C3828.498047,2531.068604 3840.242432,2543.532471 3852.600586,2557.179688
	C3862.050537,2569.591797 3870.925049,2580.783936 3879.223145,2591.249023
	C3890.868896,2593.107422 3899.842285,2590.069824 3909.494629,2583.823242
	C3927.700928,2577.933105 3944.859863,2573.344727 3961.760010,2564.187012
	C3976.867920,2558.587158 3990.472412,2553.077148 4005.412598,2547.480957
	C4010.983398,2546.116455 4015.218506,2544.838379 4019.453857,2543.560547
	C4028.956787,2547.635742 4028.217773,2555.939209 4026.712646,2566.336914
	C4018.236572,2572.200439 4010.965332,2575.788574 4002.233398,2579.537598
	C3989.905762,2584.090820 3979.038818,2588.483154 3966.751465,2593.091553
	C3943.996094,2602.237793 3921.434326,2608.214600 3899.835449,2619.553223
	C3901.445557,2624.545898 3902.321777,2629.037598 3904.272949,2633.000244
	C3911.915039,2648.519531 3919.821533,2663.819580 3925.396729,2680.353271
	C3930.028809,2694.090576 3936.854492,2707.088379 3942.937500,2722.023926
	C3948.933350,2750.448730 3954.700195,2777.263428 3960.345459,2805.729004
	C3960.312012,2812.894531 3960.399902,2818.409180 3960.487793,2823.924316
	C3957.905273,2825.388428 3954.156250,2826.230957 3952.977295,2828.443115
	C3950.345215,2833.381836 3949.358887,2839.178711 3946.923828,2844.252686
	C3946.085938,2845.998535 3942.938232,2846.635986 3939.134277,2846.055176
	C3936.656738,2819.043213 3933.039307,2794.102295 3927.767822,2769.416016
	C3909.728271,2684.941895 3871.557617,2611.106201 3810.874268,2549.244385
	C3777.864258,2515.593506 3741.275635,2486.620850 3698.959473,2463.005371
	C3688.332764,2456.635498 3678.478027,2451.375732 3668.088379,2444.865234
	C3663.078857,2430.843018 3663.715332,2427.718018 3672.495850,2421.613525
	C3676.279541,2418.983154 3680.301025,2416.694824 3685.597412,2413.712891
	C3796.136230,2354.145264 3872.455566,2266.771973 3913.954102,2149.561279
	C3919.698730,2133.335693 3923.846924,2116.544678 3930.163330,2100.054443
	C3936.014404,2100.208496 3939.140381,2101.907471 3940.130127,2106.624512
	C3941.174805,2111.605469 3944.462646,2114.630859 3949.001221,2117.873535
	C3946.957520,2128.909180 3945.068359,2138.342041 3942.233398,2148.817139
	C3934.888672,2166.563721 3928.627197,2183.322510 3922.053223,2199.958008
	C3915.279785,2217.097412 3902.295898,2231.277588 3897.464355,2250.228516
	C3899.107910,2251.542969 3900.457031,2253.273438 3902.205078,2253.911621
	C3911.519043,2257.312012 3920.925049,2260.463379 3930.314941,2263.654053
	C3942.816406,2267.902832 3955.332520,2272.108154 3968.759766,2277.247803
	C3974.442871,2280.342773 3979.208740,2282.521973 3983.974854,2284.701172
z"/>
<path fill="#5C75A6" opacity="1.000000" stroke="none"
	d="
M3988.424805,2970.342773
	C3977.404785,2974.697998 3966.088867,2977.708008 3952.895020,2978.794678
	C3952.529297,2958.013428 3960.327881,2939.190430 3962.388672,2917.555664
	C3971.847168,2912.275391 3973.881348,2905.111328 3975.733643,2898.035156
	C3984.773682,2863.502197 3994.141113,2829.045166 4002.476807,2794.341309
	C4008.954834,2767.372314 4014.770508,2740.201172 4019.598389,2712.893311
	C4023.500244,2690.824707 4024.763916,2668.295166 4028.512939,2646.193115
	C4033.058594,2619.396484 4036.836426,2592.625000 4036.192383,2565.379883
	C4047.271240,2560.128906 4058.349854,2554.877930 4070.749756,2551.095947
	C4070.757324,2571.643311 4067.688721,2590.524658 4067.095215,2609.745850
	C4066.798828,2619.343262 4065.424805,2629.527100 4063.418457,2639.029053
	C4060.789551,2651.479004 4061.148682,2664.048584 4059.093262,2676.364502
	C4054.542236,2703.629883 4049.445312,2730.817871 4043.898438,2757.899658
	C4038.212402,2785.658447 4032.785645,2813.542725 4025.336914,2840.851318
	C4014.385010,2881.004395 4001.708252,2920.686279 3989.875488,2960.601318
	C3988.951660,2963.718018 3988.887939,2967.089600 3988.424805,2970.342773
z"/>
<path fill="#6580B4" opacity="1.000000" stroke="none"
	d="
M3989.985596,2970.054199
	C3988.887939,2967.089600 3988.951660,2963.718018 3989.875488,2960.601318
	C4001.708252,2920.686279 4014.385010,2881.004395 4025.336914,2840.851318
	C4032.785645,2813.542725 4038.212402,2785.658447 4043.898438,2757.899658
	C4049.445312,2730.817871 4054.542236,2703.629883 4059.093262,2676.364502
	C4061.148682,2664.048584 4060.789551,2651.479004 4063.418457,2639.029053
	C4065.424805,2629.527100 4066.798828,2619.343262 4067.095215,2609.745850
	C4067.688721,2590.524658 4070.757324,2571.643311 4072.101074,2550.900146
	C4078.988525,2545.996094 4085.845703,2542.756836 4094.072266,2539.152100
	C4095.927979,2551.355225 4097.637695,2563.993652 4092.729736,2576.205322
	C4092.016846,2577.978760 4091.919434,2580.176514 4092.125977,2582.114990
	C4094.046631,2600.165771 4089.565186,2617.725586 4087.588135,2635.405518
	C4085.029541,2658.288086 4079.232910,2680.826904 4077.019775,2703.725342
	C4073.892578,2736.078857 4065.806641,2767.418945 4059.640137,2799.124268
	C4054.601074,2825.032227 4047.302734,2850.525391 4040.406006,2876.040283
	C4034.364502,2898.391357 4027.336426,2920.474365 4021.107910,2942.777344
	C4019.887207,2947.148438 4020.332520,2951.984619 4020.000244,2958.271973
	C4010.509521,2963.213379 4001.028076,2966.489502 3989.985596,2970.054199
z"/>
<path fill="#0D327C" opacity="1.000000" stroke="none"
	d="
M4020.374756,2542.526367
	C4015.218506,2544.838379 4010.983398,2546.116455 4005.392090,2545.673828
	C4004.251221,2530.667725 4002.777100,2517.062500 4005.208740,2504.195312
	C4007.212646,2493.592529 4007.927734,2483.224121 4007.967773,2472.648926
	C4008.065918,2446.714600 4008.052979,2420.779297 4007.956055,2394.844971
	C4007.936279,2389.551758 4008.222900,2384.026611 4006.873779,2379.010498
	C4001.901855,2360.520508 4003.009766,2342.320801 4008.020996,2324.123779
	C4024.876465,2331.246338 4041.732178,2338.368896 4059.519531,2346.523926
	C4056.147705,2350.691406 4055.989746,2355.293213 4056.000000,2359.987061
	C4056.023193,2370.542725 4056.000732,2381.098145 4056.000488,2391.653809
	C4055.999756,2434.535889 4056.000000,2477.417725 4056.002441,2522.180420
	C4044.434814,2529.871338 4032.865234,2535.681885 4020.374756,2542.526367
z"/>
<path fill="#536A99" opacity="1.000000" stroke="none"
	d="
M4035.112793,2565.409668
	C4036.836426,2592.625000 4033.058594,2619.396484 4028.512939,2646.193115
	C4024.763916,2668.295166 4023.500244,2690.824707 4019.598389,2712.893311
	C4014.770508,2740.201172 4008.954834,2767.372314 4002.476807,2794.341309
	C3994.141113,2829.045166 3984.773682,2863.502197 3975.733643,2898.035156
	C3973.881348,2905.111328 3971.847168,2912.275391 3962.812012,2915.859863
	C3962.163574,2890.941162 3962.921875,2865.740234 3963.444336,2840.534668
	C3963.539795,2835.927002 3962.674561,2831.299316 3961.370117,2825.302490
	C3960.399902,2818.409180 3960.312012,2812.894531 3961.780273,2805.504883
	C3965.816650,2801.613281 3969.364746,2800.083496 3970.552979,2797.477783
	C3972.993164,2792.126465 3974.532959,2786.278076 3975.793213,2780.492676
	C3978.734375,2766.988770 3981.448486,2753.430420 3983.961426,2739.840088
	C3986.830811,2724.321045 3988.640137,2708.565674 3992.305420,2693.246826
	C3995.264404,2680.879150 3994.678711,2668.239746 3996.926270,2656.006592
	C4001.591553,2630.614258 4005.465332,2605.281494 4003.694092,2579.376709
	C4010.965332,2575.788574 4018.236572,2572.200439 4026.676025,2567.868652
	C4029.907227,2566.562988 4031.970215,2566.001221 4035.112793,2565.409668
z"/>
<path fill="#9BB8F0" opacity="1.000000" stroke="none"
	d="
M3928.734375,2100.015625
	C3923.846924,2116.544678 3919.698730,2133.335693 3913.954102,2149.561279
	C3872.455566,2266.771973 3796.136230,2354.145264 3685.580566,2411.926025
	C3682.879639,2400.674072 3681.578369,2390.670654 3680.637451,2379.731934
	C3681.718994,2377.582764 3682.765137,2376.808105 3685.545898,2376.510742
	C3700.511963,2364.811279 3714.691162,2353.713379 3727.517090,2341.225586
	C3782.155273,2288.027100 3824.135254,2226.189209 3852.317627,2155.195068
	C3873.157471,2102.697266 3884.913330,2048.363037 3883.888672,1991.679443
	C3883.613037,1976.423828 3882.090332,1961.161133 3880.529541,1945.964233
	C3876.410156,1905.847656 3864.953857,1867.721069 3847.591309,1831.446045
	C3810.749268,1754.473145 3753.529297,1696.428223 3679.930176,1654.399536
	C3611.717041,1615.446411 3538.083740,1594.449951 3459.477539,1591.251343
	C3453.506348,1591.008423 3447.569092,1589.829712 3441.599609,1589.659790
	C3426.386230,1589.226318 3411.054688,1586.737793 3394.280762,1591.440430
	C3381.714844,1591.354736 3370.940430,1591.504395 3359.955566,1590.268311
	C3357.125244,1583.929565 3354.373779,1579.040161 3351.932373,1574.000610
	C3350.335693,1570.705200 3349.188721,1567.192139 3347.840332,1563.776489
	C3347.840332,1563.776489 3347.942383,1564.017456 3349.032227,1564.109619
	C3352.095703,1563.121826 3354.069580,1562.041870 3356.043213,1560.961914
	C3357.598633,1560.481323 3359.154053,1560.000854 3363.167725,1559.748291
	C3367.796875,1558.908447 3369.967773,1557.840820 3372.138672,1556.773071
	C3421.187744,1545.742432 3470.572754,1542.043945 3520.818604,1547.014648
	C3621.404053,1556.965088 3709.644531,1594.848877 3785.589844,1661.386597
	C3796.091064,1670.587036 3805.749023,1680.750000 3816.979004,1691.273438
	C3819.652344,1694.250854 3820.929443,1696.614136 3822.668457,1698.565430
	C3859.343994,1739.719727 3886.943848,1786.377808 3908.047607,1840.261353
	C3910.971680,1848.607056 3913.149658,1854.183350 3914.962646,1859.875854
	C3932.271484,1914.224365 3940.679688,1969.846191 3936.908203,2026.872192
	C3935.291016,2051.326416 3931.524414,2075.638672 3928.734375,2100.015625
z"/>
<path fill="#5C75A6" opacity="1.000000" stroke="none"
	d="
M4068.100098,2317.201660
	C4058.024414,2314.704346 4047.921875,2310.424805 4036.899414,2303.335205
	C4036.964111,2285.850830 4034.464600,2271.541016 4032.249756,2257.095947
	C4029.850342,2241.447266 4029.715088,2225.457520 4027.454590,2209.780518
	C4024.160156,2186.931641 4020.083984,2164.186279 4015.904297,2141.477051
	C4011.721191,2118.748779 4007.573730,2095.987061 4002.363037,2073.482178
	C3996.697021,2049.011230 3989.895508,2024.800659 3983.445557,2000.514648
	C3980.727539,1990.279785 3977.802246,1980.092651 3974.661865,1969.979858
	C3972.765137,1963.871216 3969.263428,1959.226196 3961.365723,1958.113281
	C3957.708252,1937.639893 3954.533447,1918.843140 3951.358643,1900.046387
	C3952.141602,1895.364380 3953.348389,1890.841919 3959.573242,1892.085449
	C3968.347168,1893.838379 3977.045410,1895.969849 3986.897461,1898.910767
	C3988.883545,1905.736938 3988.806152,1911.928467 3990.758789,1917.394775
	C4010.420898,1972.438354 4023.579590,2029.252197 4037.204102,2085.946533
	C4043.536621,2112.297119 4048.076904,2138.970215 4052.087646,2165.758057
	C4055.603760,2189.243164 4059.625000,2212.652100 4063.280762,2236.116943
	C4063.891357,2240.036377 4063.839600,2244.066406 4063.977539,2248.049561
	C4064.115479,2252.039062 4063.184326,2256.319580 4064.318848,2259.977539
	C4069.975342,2278.216553 4067.348145,2296.914307 4068.100098,2317.201660
z"/>
<path fill="#516895" opacity="1.000000" stroke="none"
	d="
M3658.192871,1399.924561
	C3667.627930,1408.171387 3676.762695,1416.892090 3684.355469,1426.795166
	C3717.033936,1469.418091 3750.724854,1511.334595 3779.168213,1557.032471
	C3798.112793,1587.468994 3818.059082,1617.279053 3834.844238,1649.065552
	C3841.665527,1661.983276 3850.201904,1673.938965 3851.990479,1690.477539
	C3842.120605,1681.749268 3832.253418,1671.479980 3821.165039,1660.692017
	C3808.633789,1644.423950 3792.470459,1633.882202 3778.120117,1621.417969
	C3771.679932,1615.824097 3764.510742,1611.069336 3756.867432,1603.335327
	C3756.379150,1594.553955 3754.156006,1589.559448 3750.804688,1584.191040
	C3724.531738,1542.107666 3694.247803,1502.891724 3664.533936,1463.297974
	C3658.472412,1455.221191 3652.171875,1445.664429 3640.370850,1443.945801
	C3640.908447,1440.775146 3640.859619,1437.354126 3642.087646,1434.478271
	C3646.900635,1423.206299 3652.116455,1412.106201 3658.192871,1399.924561
z"/>
<path fill="#030715" opacity="1.000000" stroke="none"
	d="
M3949.989990,1899.848511
	C3954.533447,1918.843140 3957.708252,1937.639893 3961.025391,1959.748535
	C3964.378418,1991.408936 3964.956055,2019.744019 3961.301025,2048.122070
	C3960.459961,2054.651123 3960.701172,2061.319336 3960.009277,2069.491211
	C3958.240479,2078.721436 3957.225098,2086.457275 3955.482178,2094.025879
	C3953.754639,2101.528564 3951.294434,2108.862793 3949.155762,2116.270996
	C3944.462646,2114.630859 3941.174805,2111.605469 3940.130127,2106.624512
	C3939.140381,2101.907471 3936.014404,2100.208496 3930.163330,2100.054443
	C3931.524414,2075.638672 3935.291016,2051.326416 3936.908203,2026.872192
	C3940.679688,1969.846191 3932.271484,1914.224365 3914.962646,1859.875854
	C3913.149658,1854.183350 3910.971680,1848.607056 3908.873047,1841.512451
	C3913.307373,1840.262329 3917.718994,1839.894653 3919.905273,1845.645630
	C3924.292236,1857.185547 3928.841309,1868.710571 3934.204346,1879.816162
	C3937.748779,1887.156006 3939.125244,1896.486450 3949.989990,1899.848511
z"/>
<path fill="#1B2435" opacity="1.000000" stroke="none"
	d="
M3930.670898,1740.665771
	C3942.707520,1752.964478 3948.715576,1768.601685 3955.208740,1783.750488
	C3966.703369,1810.568237 3976.928467,1837.930054 3987.842285,1866.532104
	C3977.081787,1868.978027 3966.875977,1865.214844 3956.923096,1861.993774
	C3946.593262,1858.650879 3939.043945,1851.455933 3935.340820,1840.196167
	C3930.575928,1825.707886 3924.709961,1811.553467 3918.750244,1797.496216
	C3914.615967,1787.744629 3914.479980,1777.434937 3917.108154,1768.120117
	C3919.718506,1758.869751 3922.258301,1748.835815 3930.670898,1740.665771
z"/>
<path fill="#9BB8F0" opacity="1.000000" stroke="none"
	d="
M2820.581787,936.237549
	C2843.132812,935.897278 2865.684082,935.556946 2890.081543,934.934082
	C2918.341064,937.245117 2944.742676,939.864685 2970.685791,945.830994
	C3047.292725,963.449036 3115.151123,998.107178 3174.155273,1050.064819
	C3178.140625,1053.573853 3182.085205,1057.129517 3187.155518,1061.217773
	C3209.815918,1084.521973 3230.693604,1107.810791 3248.307861,1133.867065
	C3290.922119,1196.905273 3315.963379,1266.238281 3324.639893,1341.821411
	C3331.651855,1402.905029 3326.229004,1462.822144 3308.334961,1523.024170
	C3302.312988,1521.665283 3298.239990,1519.774414 3295.053711,1516.900391
	C3290.975586,1513.222168 3286.509033,1511.676025 3281.023926,1510.199219
	C3281.321777,1497.752441 3281.818115,1486.936523 3282.795410,1474.298828
	C3285.284668,1439.800659 3283.478760,1407.207886 3279.044434,1374.890259
	C3273.424316,1333.929321 3263.365234,1293.907837 3248.222412,1255.361694
	C3217.633789,1177.497559 3171.449219,1111.208984 3103.401855,1061.160767
	C3036.040527,1011.616943 2959.684570,990.122437 2877.101074,989.385742
	C2854.631592,989.185303 2832.014160,992.512695 2809.655518,995.602417
	C2754.280273,1003.254517 2702.776611,1022.280090 2654.333496,1050.054565
	C2620.675537,1069.351929 2589.459961,1092.038086 2560.941162,1118.173706
	C2543.855469,1133.831665 2528.513428,1151.391846 2511.222656,1168.741699
	C2502.803711,1177.348511 2495.549561,1185.310669 2487.513184,1191.998535
	C2483.102295,1189.803345 2479.514893,1188.382690 2475.834961,1188.076172
	C2470.057373,1187.594849 2466.323975,1184.771973 2463.864502,1179.799927
	C2476.263184,1153.901367 2493.149902,1130.917969 2510.846680,1108.553711
	C2587.402100,1011.807373 2686.978271,955.410706 2811.900879,938.684143
	C2816.572266,937.649963 2818.577148,936.943787 2820.581787,936.237549
z"/>
<path fill="#526997" opacity="1.000000" stroke="none"
	d="
M2568.920166,841.267456
	C2574.053223,839.930298 2579.377197,840.286011 2584.655518,839.940491
	C2604.007568,838.673706 2622.677734,842.971802 2641.456543,846.496338
	C2644.690186,847.103210 2647.967285,847.903748 2651.222656,847.895386
	C2667.179932,847.854309 2682.421631,852.708862 2698.057373,854.493408
	C2716.429199,856.590271 2734.526855,859.751038 2752.493164,863.914001
	C2762.752930,866.291321 2772.895752,869.302368 2783.250977,871.114807
	C2812.532959,876.239685 2840.901367,885.024414 2869.607178,892.407898
	C2878.802246,894.773010 2889.606445,895.133301 2895.766846,906.292603
	C2887.819092,907.852295 2879.606689,908.011719 2869.662109,908.507141
	C2850.928711,907.903503 2833.980713,907.621887 2817.098877,910.748352
	C2811.345215,911.813965 2805.372559,911.697388 2797.480957,910.581543
	C2793.574463,907.378601 2791.937988,904.823059 2789.755615,904.210327
	C2781.511230,901.895630 2773.091797,900.203308 2764.734131,898.293518
	C2749.925049,894.909546 2735.214355,890.971985 2720.277344,888.301941
	C2701.459473,884.938232 2682.298584,883.382874 2663.592041,879.551453
	C2652.437988,877.266907 2641.468018,875.702515 2630.147949,875.955078
	C2626.842773,876.028870 2623.226807,876.354126 2620.266602,875.222107
	C2607.981445,870.524048 2595.389648,872.053223 2582.815674,872.567566
	C2578.240479,862.591187 2573.665283,852.614807 2568.920166,841.267456
z"/>
<path fill="#1B2435" opacity="1.000000" stroke="none"
	d="
M3004.032959,889.556152
	C3016.911621,885.785095 3027.234375,893.444885 3038.146729,897.619202
	C3064.788330,907.810303 3090.874268,919.465332 3117.077393,930.777710
	C3120.609375,932.302490 3123.527344,935.248474 3127.364990,938.787354
	C3119.187012,945.731934 3110.400879,951.468323 3101.549561,957.102173
	C3096.630859,960.233032 3091.726318,959.959961 3086.539795,957.267639
	C3066.567627,946.899841 3045.886475,938.210693 3024.370850,931.537720
	C3018.273682,929.646667 3014.318604,925.154968 3011.880371,919.529541
	C3007.950928,910.463928 3003.825195,901.391296 3004.032959,889.556152
z"/>
<path fill="#475062" opacity="1.000000" stroke="none"
	d="
M3349.127197,1327.744629
	C3345.411133,1298.138062 3345.685547,1299.734863 3374.793457,1288.446655
	C3385.613525,1297.604858 3393.260498,1306.790894 3402.042236,1314.720459
	C3416.717285,1327.971313 3432.805664,1339.701294 3447.062500,1353.361694
	C3472.921143,1378.138428 3497.899902,1403.834839 3523.172607,1429.220215
	C3527.368896,1433.434814 3531.300781,1437.927124 3535.172363,1442.447021
	C3550.992432,1460.915283 3564.802734,1481.203003 3584.181885,1496.440430
	C3583.183594,1499.557007 3582.565186,1502.862427 3581.124512,1505.759033
	C3572.245605,1523.611328 3573.714844,1525.883423 3549.557617,1522.421387
	C3537.947754,1500.122925 3518.750977,1486.797852 3506.218506,1468.221436
	C3463.493408,1425.740356 3421.976562,1382.002686 3376.351562,1342.533081
	C3368.478516,1335.722046 3360.698975,1328.055176 3349.127197,1327.744629
z"/>
<path fill="#586174" opacity="1.000000" stroke="none"
	d="
M3585.189453,1495.462280
	C3564.802734,1481.203003 3550.992432,1460.915283 3535.172363,1442.447021
	C3531.300781,1437.927124 3527.368896,1433.434814 3523.172607,1429.220215
	C3497.899902,1403.834839 3472.921143,1378.138428 3447.062500,1353.361694
	C3432.805664,1339.701294 3416.717285,1327.971313 3402.042236,1314.720459
	C3393.260498,1306.790894 3385.613525,1297.604858 3376.212402,1288.288818
	C3387.729248,1281.313354 3400.490234,1275.032837 3414.799805,1269.886719
	C3420.066895,1280.840454 3428.485352,1286.712524 3435.842285,1293.204468
	C3450.720215,1306.333618 3466.669189,1318.262329 3481.373047,1331.573364
	C3516.407959,1363.290161 3546.151855,1400.152222 3579.390869,1433.636963
	C3582.138672,1436.405029 3583.515869,1440.497192 3586.128906,1443.442871
	C3590.892578,1448.813477 3594.878418,1455.499756 3603.318359,1455.869507
	C3597.611328,1468.741089 3591.904053,1481.612549 3585.189453,1495.462280
z"/>
<path fill="#677083" opacity="1.000000" stroke="none"
	d="
M3603.843262,1454.526367
	C3594.878418,1455.499756 3590.892578,1448.813477 3586.128906,1443.442871
	C3583.515869,1440.497192 3582.138672,1436.405029 3579.390869,1433.636963
	C3546.151855,1400.152222 3516.407959,1363.290161 3481.373047,1331.573364
	C3466.669189,1318.262329 3450.720215,1306.333618 3435.842285,1293.204468
	C3428.485352,1286.712524 3420.066895,1280.840454 3416.209473,1269.667969
	C3428.311523,1262.761353 3440.552490,1257.208130 3454.245605,1251.529785
	C3455.942139,1258.012085 3459.750732,1262.453003 3464.769287,1266.075195
	C3467.983643,1268.395386 3471.709961,1270.123901 3474.570557,1272.798218
	C3498.762939,1295.415649 3524.134033,1316.973877 3546.467529,1341.312378
	C3563.484131,1359.856934 3580.686768,1378.189819 3598.144043,1396.309326
	C3600.860352,1399.128784 3602.788818,1402.710205 3605.061523,1405.953369
	C3608.147217,1410.356812 3611.455811,1414.473877 3618.489014,1415.828979
	C3617.845703,1429.682861 3609.998779,1440.971680 3603.843262,1454.526367
z"/>
<path fill="#394254" opacity="1.000000" stroke="none"
	d="
M3348.964355,1329.401855
	C3360.698975,1328.055176 3368.478516,1335.722046 3376.351562,1342.533081
	C3421.976562,1382.002686 3463.493408,1425.740356 3506.218506,1468.221436
	C3518.750977,1486.797852 3537.947754,1500.122925 3547.901855,1522.233887
	C3542.897949,1523.506836 3537.678955,1523.733521 3532.519531,1523.280518
	C3521.555420,1522.317505 3510.622559,1521.001099 3497.707031,1518.347412
	C3486.269775,1505.026611 3477.678955,1492.336304 3467.168213,1481.510010
	C3436.580322,1450.003296 3405.078369,1419.385864 3374.291260,1388.069336
	C3368.092285,1381.764038 3361.308350,1379.304077 3352.941895,1379.705444
	C3352.612793,1371.873169 3352.554932,1364.017456 3351.881348,1356.214966
	C3351.155273,1347.803711 3349.852783,1339.442261 3348.964355,1329.401855
z"/>
<path fill="#2B3343" opacity="1.000000" stroke="none"
	d="
M3352.656738,1381.567139
	C3361.308350,1379.304077 3368.092285,1381.764038 3374.291260,1388.069336
	C3405.078369,1419.385864 3436.580322,1450.003296 3467.168213,1481.510010
	C3477.678955,1492.336304 3486.269775,1505.026611 3495.942383,1518.198975
	C3477.394775,1519.588745 3458.642334,1519.644897 3437.957031,1518.227783
	C3435.423096,1514.231201 3435.534668,1511.166138 3434.098877,1509.276855
	C3427.383789,1500.439209 3421.003906,1491.141968 3413.097412,1483.456543
	C3395.742432,1466.587402 3377.597656,1450.525879 3359.584717,1434.346924
	C3357.825684,1432.766968 3354.739258,1432.664673 3352.268799,1431.876465
	C3352.303223,1415.727173 3352.337402,1399.578003 3352.656738,1381.567139
z"/>
<path fill="#475C86" opacity="1.000000" stroke="none"
	d="
M3260.302490,1105.360107
	C3267.631836,1103.261230 3274.079346,1106.523804 3280.229004,1110.623169
	C3307.120850,1128.548950 3334.347656,1146.000854 3360.764648,1164.601685
	C3380.680664,1178.625000 3399.744385,1193.891235 3418.769775,1209.125977
	C3424.272461,1213.532593 3430.476807,1218.109619 3432.005859,1227.498047
	C3421.221436,1233.976807 3410.299072,1238.984619 3396.724121,1243.558228
	C3372.373535,1223.024536 3348.563965,1205.714844 3323.977295,1189.353882
	C3318.765137,1185.885620 3313.883789,1183.413208 3307.637451,1184.172852
	C3292.910889,1157.783813 3278.599854,1131.143188 3260.302490,1105.360107
z"/>
<path fill="#445881" opacity="1.000000" stroke="none"
	d="
M3639.520020,1445.104736
	C3652.171875,1445.664429 3658.472412,1455.221191 3664.533936,1463.297974
	C3694.247803,1502.891724 3724.531738,1542.107666 3750.804688,1584.191040
	C3754.156006,1589.559448 3756.379150,1594.553955 3756.077148,1602.267090
	C3744.325195,1596.767456 3732.770752,1589.347168 3720.738770,1582.805176
	C3705.232178,1574.374023 3689.343506,1566.645996 3672.637207,1556.170654
	C3669.128662,1542.520874 3661.514893,1534.209229 3655.093750,1525.323242
	C3644.842529,1511.137207 3634.055420,1497.338745 3623.494873,1483.376465
	C3628.552979,1471.005371 3633.611328,1458.634521 3639.520020,1445.104736
z"/>
<path fill="#1B2435" opacity="1.000000" stroke="none"
	d="
M3352.140137,1433.635376
	C3354.739258,1432.664673 3357.825684,1432.766968 3359.584717,1434.346924
	C3377.597656,1450.525879 3395.742432,1466.587402 3413.097412,1483.456543
	C3421.003906,1491.141968 3427.383789,1500.439209 3434.098877,1509.276855
	C3435.534668,1511.166138 3435.423096,1514.231201 3436.104980,1518.176392
	C3417.908447,1522.055054 3399.640869,1524.591553 3381.347168,1526.918701
	C3376.107910,1527.585327 3370.771729,1528.111450 3365.514160,1527.890991
	C3353.891846,1527.403809 3344.636475,1517.825073 3344.037842,1506.096313
	C3343.869141,1502.791748 3343.767822,1499.411743 3344.252930,1496.158203
	C3346.486328,1481.182983 3349.088135,1466.261597 3351.229248,1451.273926
	C3351.975586,1446.050049 3351.778320,1440.691406 3352.140137,1433.635376
z"/>
<path fill="#3D4F76" opacity="1.000000" stroke="none"
	d="
M3307.816162,1185.633423
	C3313.883789,1183.413208 3318.765137,1185.885620 3323.977295,1189.353882
	C3348.563965,1205.714844 3372.373535,1223.024536 3395.309570,1243.775879
	C3380.498779,1252.092773 3364.495117,1259.856934 3348.346191,1267.305664
	C3346.151611,1268.317871 3343.229004,1267.751953 3339.832031,1267.968384
	C3331.576172,1255.528931 3329.809570,1240.784424 3324.314941,1227.571045
	C3318.729248,1214.139160 3313.423340,1200.591187 3307.816162,1185.633423
z"/>
<path fill="#394B70" opacity="1.000000" stroke="none"
	d="
M3622.461914,1484.333618
	C3634.055420,1497.338745 3644.842529,1511.137207 3655.093750,1525.323242
	C3661.514893,1534.209229 3669.128662,1542.520874 3671.654297,1555.210938
	C3657.330078,1551.825684 3642.997803,1546.980225 3628.685547,1542.075195
	C3620.637939,1539.317017 3612.623535,1536.461060 3604.930908,1533.767090
	C3604.669434,1519.995850 3605.887207,1516.495728 3622.461914,1484.333618
z"/>
<path fill="#6E8BC2" opacity="1.000000" stroke="none"
	d="
M3301.643066,1564.785400
	C3304.546143,1566.777588 3307.449219,1568.769775 3311.187988,1572.930786
	C3314.749512,1582.500732 3317.475098,1589.901733 3318.958740,1598.119629
	C3300.339600,1599.997192 3283.952637,1608.948608 3264.805664,1606.459229
	C3266.125732,1598.300659 3266.970459,1591.263428 3268.448975,1584.361816
	C3270.776367,1573.497925 3273.530273,1562.725220 3277.513672,1552.070679
	C3282.059570,1554.238281 3285.093262,1556.436279 3288.355713,1558.213989
	C3292.691406,1560.575928 3297.205566,1562.610229 3301.643066,1564.785400
z"/>
<path fill="#83A4E3" opacity="1.000000" stroke="none"
	d="
M3301.392578,1563.166138
	C3297.205566,1562.610229 3292.691406,1560.575928 3288.355713,1558.213989
	C3285.093262,1556.436279 3282.059570,1554.238281 3277.459473,1550.431885
	C3276.260742,1542.154419 3276.526855,1535.672485 3277.655029,1527.950439
	C3279.418701,1521.750122 3280.320312,1516.789917 3281.222168,1511.829834
	C3286.509033,1511.676025 3290.975586,1513.222168 3295.053711,1516.900391
	C3298.239990,1519.774414 3302.312988,1521.665283 3307.423584,1524.221191
	C3307.431396,1530.626099 3305.904053,1536.781250 3304.613525,1542.985718
	C3303.332275,1549.146973 3302.289551,1555.357788 3301.392578,1563.166138
z"/>
<path fill="#7998D3" opacity="1.000000" stroke="none"
	d="
M3320.200684,1597.302734
	C3317.475098,1589.901733 3314.749512,1582.500732 3312.017334,1573.601562
	C3322.925537,1569.257080 3333.840088,1566.410767 3346.297607,1563.670532
	C3349.188721,1567.192139 3350.335693,1570.705200 3351.932373,1574.000610
	C3354.373779,1579.040161 3357.125244,1583.929565 3358.865723,1590.688110
	C3355.943359,1593.452881 3353.900635,1594.412354 3350.097656,1595.397705
	C3338.958496,1596.049927 3329.579590,1596.676392 3320.200684,1597.302734
z"/>
<path fill="#6C88BF" opacity="1.000000" stroke="none"
	d="
M3370.915283,1556.543213
	C3369.967773,1557.840820 3367.796875,1558.908447 3364.391846,1559.672119
	C3365.335938,1558.349854 3367.513916,1557.331543 3370.915283,1556.543213
z"/>
<path fill="#7998D3" opacity="1.000000" stroke="none"
	d="
M3354.888672,1560.779053
	C3354.069580,1562.041870 3352.095703,1563.121826 3348.954102,1563.998535
	C3349.768799,1562.728882 3351.751221,1561.662598 3354.888672,1560.779053
z"/>
<path fill="#9BB8F0" opacity="1.000000" stroke="none"
	d="
M2877.371094,3934.829102
	C2873.125488,3935.315918 2870.343750,3935.090576 2864.734619,3934.605957
	C2852.029785,3934.025146 2842.152588,3933.703857 2832.275391,3933.382568
	C2794.502930,3929.044434 2757.281738,3922.276611 2721.141113,3909.987793
	C2632.598877,3879.881104 2561.632568,3825.679932 2504.450684,3752.541748
	C2489.269043,3733.124268 2475.031250,3713.010986 2465.455078,3689.503418
	C2477.063477,3687.861816 2487.055420,3687.645508 2498.029785,3688.330078
	C2501.275391,3692.433838 2503.189697,3695.974365 2505.886475,3698.756836
	C2509.543213,3702.529053 2514.261230,3705.310547 2517.730225,3709.221191
	C2571.234131,3769.531738 2635.062744,3815.103516 2710.055176,3845.009766
	C2771.334473,3869.447266 2834.409424,3883.351807 2900.830078,3880.593750
	C2955.047363,3878.341797 3005.930664,3864.326660 3053.343018,3838.480713
	C3099.325439,3813.414062 3139.385498,3780.766846 3173.787598,3741.031006
	C3217.754395,3690.247803 3247.523438,3632.286377 3264.754150,3567.553223
	C3281.346924,3505.216553 3285.569092,3441.723389 3283.173828,3377.585693
	C3283.004395,3373.050781 3281.239746,3368.575195 3280.369141,3362.483887
	C3280.535400,3356.650146 3280.549561,3352.404785 3282.019531,3348.115234
	C3286.890869,3346.773438 3290.800781,3346.134033 3293.607666,3344.025879
	C3297.938965,3340.773682 3302.493896,3339.822510 3307.597900,3340.068848
	C3316.403320,3363.937012 3319.877197,3388.996582 3323.451660,3413.952393
	C3325.709717,3429.718506 3326.940430,3445.697266 3327.555176,3461.622070
	C3331.576416,3565.774170 3301.939209,3659.786621 3241.041992,3744.013428
	C3228.986084,3760.687744 3215.243652,3776.142822 3201.609375,3793.411865
	C3196.984375,3798.144775 3192.858154,3801.451172 3189.099121,3805.132812
	C3125.753174,3867.179443 3050.258057,3906.118164 2963.715088,3924.459473
	C2935.675293,3930.402344 2907.323486,3932.623291 2877.371094,3934.829102
z"/>
<path fill="#4F6694" opacity="1.000000" stroke="none"
	d="
M3467.141602,3654.510254
	C3468.070068,3663.968750 3461.982666,3668.593994 3456.370605,3673.104980
	C3437.834717,3688.003174 3419.442627,3703.133545 3400.236084,3717.132568
	C3372.975098,3737.001953 3345.495605,3756.644287 3317.257080,3775.078369
	C3291.222168,3792.073975 3264.093262,3807.398926 3237.381592,3823.351318
	C3228.287109,3828.782227 3219.024658,3833.935059 3209.782471,3839.115234
	C3203.912109,3842.405273 3197.736816,3844.716064 3189.201660,3843.874512
	C3197.326660,3833.902100 3207.168213,3824.111328 3216.752930,3814.075439
	C3225.447266,3804.972412 3233.861328,3795.602051 3242.829102,3785.120117
	C3251.248291,3774.017090 3259.236816,3764.143311 3269.526367,3753.164062
	C3275.581055,3750.838623 3279.719971,3750.261719 3283.019775,3748.284912
	C3296.050537,3740.479492 3309.160645,3732.725830 3321.602783,3724.038818
	C3340.575928,3710.791504 3359.470947,3697.353027 3377.558350,3682.940674
	C3395.040771,3669.010254 3415.378906,3658.323242 3428.674561,3639.450684
	C3441.182617,3644.130615 3453.690674,3648.810303 3467.141602,3654.510254
z"/>
<path fill="#4F6694" opacity="1.000000" stroke="none"
	d="
M2890.555664,3961.292725
	C2889.788086,3972.095947 2880.935791,3973.837646 2872.578857,3975.924072
	C2844.970947,3982.817383 2817.149658,3988.917725 2789.726318,3996.470215
	C2759.677490,4004.746094 2728.995850,4009.775391 2698.443848,4015.266846
	C2674.426270,4019.583496 2649.738037,4020.160156 2625.712646,4024.444092
	C2608.500488,4027.513428 2591.498291,4028.365479 2572.243164,4027.454590
	C2575.217285,4014.675781 2580.173584,4002.131348 2587.864258,3988.700195
	C2594.558105,3987.736328 2598.838379,3988.607422 2602.416260,3987.398926
	C2612.029785,3984.151611 2621.793457,3983.739258 2631.730469,3983.942383
	C2634.358643,3983.996094 2637.039795,3983.826416 2639.622803,3983.354248
	C2674.460449,3976.989014 2709.210449,3970.087646 2744.162354,3964.435059
	C2753.731201,3962.887695 2761.671143,3959.069336 2769.715332,3954.571045
	C2783.409912,3956.063232 2797.092041,3957.684326 2810.803711,3958.995361
	C2817.990723,3959.682373 2825.229248,3959.826172 2834.207031,3960.053467
	C2853.564209,3962.955566 2871.234131,3962.125000 2890.555664,3961.292725
z"/>
<path fill="#1B2435" opacity="1.000000" stroke="none"
	d="
M3127.246094,3926.849365
	C3114.866211,3936.754150 3100.097412,3942.486572 3085.757324,3948.710205
	C3059.905518,3959.929688 3033.319824,3969.458496 3005.565186,3979.876953
	C3004.072998,3978.063232 3003.821533,3976.035400 3004.075684,3974.072998
	C3006.936279,3951.969238 3015.708984,3935.516602 3039.909668,3929.574707
	C3053.229736,3926.303955 3065.792969,3919.232910 3078.085449,3912.719971
	C3087.972168,3907.481445 3096.867188,3906.933350 3106.239014,3913.027100
	C3112.914307,3917.367432 3119.719727,3921.507812 3127.246094,3926.849365
z"/>
<path fill="#9BB8F0" opacity="1.000000" stroke="none"
	d="
M3699.730957,2464.115479
	C3741.275635,2486.620850 3777.864258,2515.593506 3810.874268,2549.244385
	C3871.557617,2611.106201 3909.728271,2684.941895 3927.767822,2769.416016
	C3933.039307,2794.102295 3936.656738,2819.043213 3937.753906,2846.134766
	C3937.726074,2863.195312 3937.819824,2878.478027 3936.936279,2893.704102
	C3931.302734,2990.795410 3897.385986,3077.143311 3836.983887,3153.066162
	C3824.622559,3168.603516 3810.367920,3182.634033 3796.474365,3198.584473
	C3794.321045,3200.876221 3792.486816,3201.732910 3791.065186,3203.039062
	C3746.468262,3244.019043 3695.702393,3274.871582 3636.517578,3296.317383
	C3633.082031,3297.608643 3632.047119,3298.450684 3631.012207,3299.292725
	C3605.440186,3306.370361 3580.007080,3313.927734 3553.673584,3317.959229
	C3512.752686,3324.224121 3471.799072,3326.074219 3430.541260,3321.512939
	C3402.093018,3318.367920 3374.010742,3313.708984 3345.283936,3303.227783
	C3345.192627,3297.489502 3345.683350,3293.485352 3347.751221,3290.619385
	C3350.910156,3286.241699 3352.255371,3281.701172 3353.737305,3276.371582
	C3359.528320,3276.168213 3363.742676,3276.100830 3369.482422,3276.693359
	C3372.949463,3277.805908 3374.873779,3278.554199 3376.835449,3278.668945
	C3427.507568,3281.636963 3478.022217,3280.244385 3527.994141,3270.858643
	C3596.311035,3258.027100 3659.128906,3231.738037 3716.055908,3191.670898
	C3753.336182,3165.431396 3786.364258,3134.877686 3813.458496,3097.931396
	C3859.987793,3034.483154 3880.212646,2962.508789 3883.067139,2884.986328
	C3883.725098,2867.121338 3881.859619,2849.131104 3880.626953,2831.234863
	C3876.917236,2777.363525 3861.165039,2726.830566 3837.558838,2678.552490
	C3811.867920,2626.011475 3777.528564,2579.630127 3736.645508,2538.025391
	C3722.183838,2523.308350 3707.036621,2509.265381 3692.164062,2493.255859
	C3692.137207,2484.966553 3692.085449,2478.334961 3692.181641,2471.705811
	C3692.252441,2466.834717 3695.382080,2464.824707 3699.730957,2464.115479
z"/>
<path fill="#1B2435" opacity="1.000000" stroke="none"
	d="
M3974.309082,3003.874023
	C3977.047852,3012.028320 3974.636230,3019.663086 3971.672363,3027.003662
	C3961.295654,3052.703125 3950.783936,3078.351807 3939.922119,3103.848389
	C3937.648682,3109.185059 3933.666504,3113.793457 3929.235840,3119.368652
	C3923.242676,3112.913086 3918.083740,3106.055908 3913.862305,3098.663086
	C3910.778809,3093.262939 3911.234863,3087.012939 3913.635254,3081.331299
	C3916.211182,3075.235596 3919.575439,3069.477295 3922.268311,3063.426025
	C3926.567139,3053.766113 3931.971680,3044.321777 3934.449219,3034.185303
	C3939.491699,3013.555664 3952.252930,3004.240723 3974.309082,3003.874023
z"/>
<path fill="#475062" opacity="1.000000" stroke="none"
	d="
M3547.963379,3347.861816
	C3568.618164,3342.184082 3570.087158,3340.920654 3579.885742,3363.274658
	C3580.394531,3364.435547 3580.472412,3365.785400 3580.165527,3369.912598
	C3568.863037,3385.341797 3558.972900,3398.747559 3547.236816,3410.273926
	C3529.235107,3427.953613 3513.672607,3447.801758 3496.030029,3465.711914
	C3477.919922,3484.095947 3459.677246,3502.288086 3439.806152,3519.012695
	C3421.131836,3534.729736 3403.731445,3552.010742 3383.950439,3566.498779
	C3378.159424,3570.739990 3375.191406,3576.328125 3376.073486,3583.657959
	C3369.550537,3580.719482 3363.028809,3577.777832 3356.504150,3574.843262
	C3349.774902,3571.816650 3346.616943,3566.744385 3347.396973,3559.284668
	C3347.804199,3555.391846 3347.995361,3551.476318 3349.970459,3545.807129
	C3354.190186,3543.362549 3357.325439,3543.409424 3359.163330,3541.888428
	C3378.007080,3526.292969 3397.705322,3511.528564 3415.116211,3494.443604
	C3453.943359,3456.343262 3493.721436,3419.072510 3528.565186,3377.135254
	C3535.998047,3368.189453 3545.366943,3360.161133 3547.963379,3347.861816
z"/>
<path fill="#555E70" opacity="1.000000" stroke="none"
	d="
M3377.251465,3584.417480
	C3375.191406,3576.328125 3378.159424,3570.739990 3383.950439,3566.498779
	C3403.731445,3552.010742 3421.131836,3534.729736 3439.806152,3519.012695
	C3459.677246,3502.288086 3477.919922,3484.095947 3496.030029,3465.711914
	C3513.672607,3447.801758 3529.235107,3427.953613 3547.236816,3410.273926
	C3558.972900,3398.747559 3568.863037,3385.341797 3580.010010,3371.327637
	C3590.897461,3380.750000 3595.584473,3394.716309 3599.745605,3410.061523
	C3594.142822,3414.737305 3589.113281,3416.960449 3585.632324,3420.646240
	C3575.214844,3431.676270 3565.660645,3443.519287 3555.281982,3454.588135
	C3545.308350,3465.225830 3534.633789,3475.202881 3524.436768,3485.636230
	C3513.896484,3496.420410 3503.533203,3507.353027 3492.785400,3517.956299
	C3468.263428,3542.147461 3442.382812,3564.762939 3416.718506,3587.641602
	C3412.563721,3591.345215 3412.099609,3595.243896 3412.036377,3599.890625
	C3400.834229,3594.986084 3389.631836,3590.081543 3377.251465,3584.417480
z"/>
<path fill="#394254" opacity="1.000000" stroke="none"
	d="
M3546.196777,3347.786865
	C3545.366943,3360.161133 3535.998047,3368.189453 3528.565186,3377.135254
	C3493.721436,3419.072510 3453.943359,3456.343262 3415.116211,3494.443604
	C3397.705322,3511.528564 3378.007080,3526.292969 3359.163330,3541.888428
	C3357.325439,3543.409424 3354.190186,3543.362549 3350.272217,3544.126465
	C3350.151367,3526.768066 3351.415283,3509.326172 3354.203125,3489.815430
	C3360.355713,3485.239014 3365.627686,3483.469727 3369.500000,3480.094727
	C3384.913818,3466.659668 3399.866455,3452.697021 3415.035400,3438.980225
	C3439.118164,3417.203125 3459.059814,3391.524170 3481.708496,3368.403809
	C3486.214844,3363.803467 3488.490967,3358.780029 3488.162354,3352.459961
	C3506.918213,3350.877197 3525.674072,3349.294678 3546.196777,3347.786865
z"/>
<path fill="#677083" opacity="1.000000" stroke="none"
	d="
M3413.010498,3600.845459
	C3412.099609,3595.243896 3412.563721,3591.345215 3416.718506,3587.641602
	C3442.382812,3564.762939 3468.263428,3542.147461 3492.785400,3517.956299
	C3503.533203,3507.353027 3513.896484,3496.420410 3524.436768,3485.636230
	C3534.633789,3475.202881 3545.308350,3465.225830 3555.281982,3454.588135
	C3565.660645,3443.519287 3575.214844,3431.676270 3585.632324,3420.646240
	C3589.113281,3416.960449 3594.142822,3414.737305 3599.961426,3411.517578
	C3606.255859,3421.176270 3611.052979,3431.163086 3614.539062,3442.720703
	C3608.567383,3447.877197 3602.482178,3450.559570 3599.523438,3455.224854
	C3591.888184,3467.263428 3581.208252,3476.277344 3571.611328,3486.379395
	C3560.638916,3497.930176 3548.814209,3508.565430 3539.519287,3521.823242
	C3534.338623,3529.212402 3525.966553,3534.373779 3518.990234,3540.490479
	C3515.996094,3543.116211 3512.746338,3545.462891 3509.864258,3548.201172
	C3487.296875,3569.642578 3464.791016,3591.148438 3442.266113,3612.634521
	C3432.838867,3609.023193 3423.411865,3605.411865 3413.010498,3600.845459
z"/>
<path fill="#2B3343" opacity="1.000000" stroke="none"
	d="
M3486.287109,3352.272461
	C3488.490967,3358.780029 3486.214844,3363.803467 3481.708496,3368.403809
	C3459.059814,3391.524170 3439.118164,3417.203125 3415.035400,3438.980225
	C3399.866455,3452.697021 3384.913818,3466.659668 3369.500000,3480.094727
	C3365.627686,3483.469727 3360.355713,3485.239014 3354.446777,3488.020508
	C3352.796143,3466.788818 3352.425781,3445.282227 3353.525146,3421.887695
	C3361.757080,3420.492432 3365.906982,3416.155029 3370.151855,3411.894775
	C3384.162354,3397.833984 3398.493896,3384.078369 3412.099365,3369.637451
	C3416.960205,3364.478271 3420.103516,3357.700928 3424.030762,3351.662109
	C3444.157715,3351.803223 3464.284912,3351.944092 3486.287109,3352.272461
z"/>
<path fill="#707B8E" opacity="1.000000" stroke="none"
	d="
M3443.322754,3613.645996
	C3464.791016,3591.148438 3487.296875,3569.642578 3509.864258,3548.201172
	C3512.746338,3545.462891 3515.996094,3543.116211 3518.990234,3540.490479
	C3525.966553,3534.373779 3534.338623,3529.212402 3539.519287,3521.823242
	C3548.814209,3508.565430 3560.638916,3497.930176 3571.611328,3486.379395
	C3581.208252,3476.277344 3591.888184,3467.263428 3599.523438,3455.224854
	C3602.482178,3450.559570 3608.567383,3447.877197 3614.612061,3444.145508
	C3620.229980,3453.652100 3624.463867,3463.304199 3628.549316,3474.434082
	C3625.336914,3476.983643 3621.539062,3477.254150 3619.339111,3479.269531
	C3611.031250,3486.878418 3601.953369,3494.151611 3595.583740,3503.245605
	C3587.477051,3514.819824 3577.455078,3524.298584 3567.735107,3534.191895
	C3552.854248,3549.338623 3537.985840,3564.513428 3522.643799,3579.186768
	C3510.716309,3590.593750 3497.908936,3601.077148 3485.848145,3612.351318
	C3482.098633,3615.856445 3479.512939,3620.606934 3476.248779,3626.122070
	C3465.528564,3623.190674 3454.953857,3618.924072 3443.322754,3613.645996
z"/>
<path fill="#465A84" opacity="1.000000" stroke="none"
	d="
M3754.143311,3267.353516
	C3756.518555,3275.129150 3754.986084,3282.024414 3749.917236,3289.231689
	C3727.543701,3321.042725 3705.703369,3353.223877 3681.971924,3384.064453
	C3669.915771,3399.731934 3658.793945,3416.146240 3644.111572,3431.483398
	C3637.033203,3418.801025 3630.619873,3404.867676 3625.226562,3388.918945
	C3631.270020,3380.848389 3635.705566,3374.157471 3641.431396,3368.861572
	C3656.262695,3355.143555 3665.196289,3337.230713 3676.456055,3320.998779
	C3678.867432,3317.522705 3678.886719,3312.387207 3680.008301,3308.016357
	C3680.008301,3308.016357 3680.000000,3308.000000 3680.795166,3307.712158
	C3682.601562,3306.883545 3683.395752,3306.117920 3683.972900,3305.127441
	C3684.682129,3305.006104 3685.391602,3304.885010 3687.875488,3304.109131
	C3690.624756,3302.925781 3691.395508,3302.185059 3691.962402,3301.232422
	C3692.685303,3301.101074 3693.408447,3300.969971 3695.910889,3300.143066
	C3698.653564,3298.907227 3699.412842,3298.159912 3699.968018,3297.205322
	C3700.669434,3297.071289 3701.371094,3296.937500 3703.853027,3296.101562
	C3706.638672,3294.835205 3707.421631,3294.049805 3707.982422,3293.042969
	C3724.698242,3287.749756 3737.803711,3276.069580 3754.143311,3267.353516
z"/>
<path fill="#445881" opacity="1.000000" stroke="none"
	d="
M3427.704102,3638.421875
	C3415.378906,3658.323242 3395.040771,3669.010254 3377.558350,3682.940674
	C3359.470947,3697.353027 3340.575928,3710.791504 3321.602783,3724.038818
	C3309.160645,3732.725830 3296.050537,3740.479492 3283.019775,3748.284912
	C3279.719971,3750.261719 3275.581055,3750.838623 3270.409668,3752.129150
	C3286.132080,3724.624023 3302.945068,3696.868652 3317.759277,3665.512695
	C3325.066650,3664.126953 3329.867676,3663.229736 3334.398438,3659.791992
	C3347.334717,3649.976318 3360.757080,3640.799805 3373.659912,3630.942383
	C3377.674561,3627.875244 3380.642578,3623.437256 3384.089844,3619.626953
	C3398.304443,3625.549072 3412.519043,3631.470947 3427.704102,3638.421875
z"/>
<path fill="#1B2435" opacity="1.000000" stroke="none"
	d="
M3422.877930,3350.589355
	C3420.103516,3357.700928 3416.960205,3364.478271 3412.099365,3369.637451
	C3398.493896,3384.078369 3384.162354,3397.833984 3370.151855,3411.894775
	C3365.906982,3416.155029 3361.757080,3420.492432 3353.542480,3420.019531
	C3350.816895,3416.300049 3348.511719,3412.578613 3348.445068,3408.817383
	C3348.126953,3390.847900 3344.545898,3373.424316 3340.815674,3355.977783
	C3339.569580,3350.149170 3339.571533,3344.245361 3341.778809,3337.568115
	C3356.143555,3337.150635 3369.135986,3342.324707 3382.587402,3344.051270
	C3395.652100,3345.727539 3408.680664,3347.683350 3422.877930,3350.589355
z"/>
<path fill="#7897D1" opacity="1.000000" stroke="none"
	d="
M3352.161133,3276.507812
	C3352.255371,3281.701172 3350.910156,3286.241699 3347.751221,3290.619385
	C3345.683350,3293.485352 3345.192627,3297.489502 3343.958496,3302.466309
	C3336.397705,3302.153564 3328.854004,3300.437744 3321.354980,3298.544922
	C3308.363770,3295.265625 3299.077393,3303.685303 3302.049316,3316.406494
	C3303.673340,3323.358398 3305.942383,3330.159668 3307.759277,3338.548828
	C3302.493896,3339.822510 3297.938965,3340.773682 3293.607666,3344.025879
	C3290.800781,3346.134033 3286.890869,3346.773438 3281.287598,3346.660645
	C3276.802490,3328.876465 3274.504639,3312.502197 3273.564941,3295.947754
	C3286.077148,3289.087158 3296.352295,3281.605957 3301.756836,3268.156738
	C3319.666748,3270.933594 3335.914062,3273.720703 3352.161133,3276.507812
z"/>
<path fill="#394B70" opacity="1.000000" stroke="none"
	d="
M3678.685791,3308.556641
	C3678.886719,3312.387207 3678.867432,3317.522705 3676.456055,3320.998779
	C3665.196289,3337.230713 3656.262695,3355.143555 3641.431396,3368.861572
	C3635.705566,3374.157471 3631.270020,3380.848389 3625.005859,3387.480957
	C3607.801270,3358.907471 3605.310059,3352.527344 3604.694336,3337.865479
	C3628.591797,3328.404785 3652.977539,3318.750977 3678.685791,3308.556641
z"/>
<path fill="#36476D" opacity="1.000000" stroke="none"
	d="
M3383.201660,3618.568115
	C3380.642578,3623.437256 3377.674561,3627.875244 3373.659912,3630.942383
	C3360.757080,3640.799805 3347.334717,3649.976318 3334.398438,3659.791992
	C3329.867676,3663.229736 3325.066650,3664.126953 3318.290039,3664.167725
	C3322.614990,3646.772705 3328.219971,3629.249023 3334.344482,3611.908447
	C3335.782715,3607.836426 3338.975830,3604.384521 3342.004883,3599.640137
	C3356.037842,3605.860840 3369.176025,3611.685059 3383.201660,3618.568115
z"/>
<path fill="#394B70" opacity="1.000000" stroke="none"
	d="
M3683.010254,3305.000977
	C3683.395752,3306.117920 3682.601562,3306.883545 3680.803223,3307.714355
	C3680.077637,3306.561035 3680.754639,3305.517822 3683.010254,3305.000977
z"/>
<path fill="#394B70" opacity="1.000000" stroke="none"
	d="
M3691.016602,3301.083008
	C3691.395508,3302.185059 3690.624756,3302.925781 3688.893066,3303.749023
	C3688.135498,3302.604492 3688.780518,3301.567871 3691.016602,3301.083008
z"/>
<path fill="#394B70" opacity="1.000000" stroke="none"
	d="
M3699.021973,3297.069580
	C3699.412842,3298.159912 3698.653564,3298.907227 3696.941895,3299.753174
	C3696.157959,3298.617676 3696.785645,3297.575928 3699.021973,3297.069580
z"/>
<path fill="#2B3343" opacity="1.000000" stroke="none"
	d="
M3632.048584,3299.453613
	C3632.047119,3298.450684 3633.082031,3297.608643 3635.144043,3296.893066
	C3635.142334,3297.884277 3634.113770,3298.749268 3632.048584,3299.453613
z"/>
<path fill="#394B70" opacity="1.000000" stroke="none"
	d="
M3707.011475,3292.941895
	C3707.421631,3294.049805 3706.638672,3294.835205 3704.850098,3295.709473
	C3704.081299,3294.560059 3704.739258,3293.500488 3707.011475,3292.941895
z"/>
<path fill="#9BB8F0" opacity="1.000000" stroke="none"
	d="
M1179.411743,2406.980957
	C1169.653687,2401.384033 1159.506470,2396.365234 1150.197144,2390.101318
	C1048.485840,2321.663086 980.753784,2228.921387 950.238586,2109.664307
	C942.962341,2081.227783 939.797913,2052.217529 937.182373,2021.493896
	C937.316406,2006.006104 937.814392,1992.054565 938.681641,1978.125854
	C945.892578,1862.311890 990.650879,1763.161255 1071.201904,1679.928833
	C1073.053223,1678.015869 1074.918457,1676.116333 1077.327148,1673.114990
	C1101.606201,1653.398682 1125.335083,1634.777954 1151.367920,1615.585083
	C1155.102051,1614.364258 1155.635376,1613.276001 1155.272095,1611.748047
	C1165.750122,1606.401855 1176.190063,1600.979370 1186.712769,1595.722412
	C1242.084717,1568.059692 1300.413330,1551.680420 1362.351074,1547.045898
	C1414.659546,1543.131836 1465.933716,1547.704956 1519.062012,1561.317871
	C1523.754028,1563.000488 1526.115601,1563.297852 1528.477051,1563.595215
	C1531.942871,1564.361450 1535.408813,1565.127563 1538.646729,1567.380981
	C1535.171753,1573.055908 1531.630493,1577.054321 1528.775879,1581.494263
	C1526.703247,1584.717896 1525.539185,1588.525879 1522.172974,1592.130127
	C1509.579834,1592.114990 1498.783569,1592.042847 1486.416504,1591.617188
	C1480.586792,1590.855347 1476.328247,1590.446899 1471.345459,1589.495605
	C1469.452271,1588.400879 1468.263916,1588.356567 1465.378662,1588.898682
	C1451.839355,1589.365845 1439.977417,1589.754150 1427.641602,1589.726074
	C1425.848755,1588.826172 1424.742676,1589.146240 1422.048828,1590.589600
	C1399.047607,1592.933472 1377.636963,1593.703857 1356.683472,1597.207642
	C1281.147827,1609.839111 1212.368652,1638.921509 1150.895996,1684.792603
	C1116.493896,1710.463379 1085.738281,1739.984741 1060.949219,1775.109863
	C1019.951538,1833.201904 998.306946,1898.032349 995.168640,1969.145508
	C992.619019,2026.918335 998.003723,2083.512451 1017.345093,2138.418213
	C1036.140503,2191.773926 1064.091187,2239.978027 1098.767090,2284.389648
	C1120.520264,2312.250488 1143.829956,2338.729248 1172.185791,2361.956055
	C1176.548584,2367.237549 1180.362549,2371.433350 1184.125366,2377.402832
	C1184.487671,2388.774658 1183.629272,2398.159424 1179.411743,2406.980957
z"/>
<path fill="#1B2435" opacity="1.000000" stroke="none"
	d="
M897.760132,1864.135864
	C897.522339,1857.741699 897.944946,1850.925171 900.427917,1844.967407
	C914.176331,1811.979126 925.278442,1777.836060 943.480713,1745.238281
	C948.808350,1751.095093 954.526978,1757.786377 958.030457,1765.485718
	C961.968384,1774.139648 961.776062,1783.962769 957.399414,1792.547241
	C948.614258,1809.778442 941.580017,1827.634888 935.935791,1846.083740
	C933.596985,1853.728271 928.868835,1858.597412 920.749451,1859.992065
	C913.598694,1861.220215 906.495850,1862.726562 897.760132,1864.135864
z"/>
<path fill="#4C5467" opacity="1.000000" stroke="none"
	d="
M1319.844482,1523.452148
	C1314.144409,1523.452148 1308.444336,1523.452148 1302.565308,1523.452148
	C1295.820435,1514.921387 1292.050293,1505.319214 1288.387207,1493.293579
	C1295.809937,1484.407227 1303.623535,1478.934448 1309.408203,1471.813477
	C1325.314697,1452.232544 1341.710938,1433.099243 1359.194092,1414.946045
	C1376.300293,1397.184204 1393.743164,1379.727051 1411.510742,1362.626953
	C1429.697876,1345.123169 1448.406128,1328.158081 1467.015503,1311.098267
	C1470.412231,1307.984375 1474.573730,1305.720703 1478.128052,1302.759399
	C1484.181885,1297.715576 1491.503296,1293.521362 1491.940674,1284.251099
	C1497.970703,1286.925781 1503.885254,1289.910034 1510.055420,1292.208618
	C1521.682007,1296.539917 1526.891357,1304.364624 1522.922607,1318.535156
	C1513.297852,1322.300171 1507.130981,1327.047363 1501.209961,1332.653320
	C1483.386963,1349.528320 1465.242065,1366.063477 1447.204346,1382.711182
	C1445.742432,1384.060425 1444.238403,1385.404785 1442.588623,1386.503296
	C1422.980591,1399.560791 1407.096069,1416.983765 1392.371704,1434.681641
	C1375.389404,1455.093018 1355.235962,1472.599121 1339.722900,1494.227295
	C1332.850708,1503.808228 1323.744507,1511.851685 1319.844482,1523.452148
z"/>
<path fill="#394254" opacity="1.000000" stroke="none"
	d="
M1321.531006,1523.598633
	C1323.744507,1511.851685 1332.850708,1503.808228 1339.722900,1494.227295
	C1355.235962,1472.599121 1375.389404,1455.093018 1392.371704,1434.681641
	C1407.096069,1416.983765 1422.980591,1399.560791 1442.588623,1386.503296
	C1444.238403,1385.404785 1445.742432,1384.060425 1447.204346,1382.711182
	C1465.242065,1366.063477 1483.386963,1349.528320 1501.209961,1332.653320
	C1507.130981,1327.047363 1513.297852,1322.300171 1522.719238,1320.168945
	C1523.147461,1330.356567 1522.057617,1340.648315 1521.185181,1350.958496
	C1520.582764,1358.077393 1520.281128,1365.221558 1518.343384,1374.311035
	C1511.172363,1379.585693 1504.771606,1382.087402 1499.978760,1386.383301
	C1488.146362,1396.989014 1477.835327,1409.242310 1464.289185,1418.009155
	C1460.487305,1420.469482 1457.676270,1424.512695 1454.555542,1427.961060
	C1450.559814,1432.376343 1446.883301,1437.089722 1442.768188,1441.386475
	C1425.781494,1459.122681 1408.758667,1476.825806 1391.583618,1494.379150
	C1384.836182,1501.275391 1380.101685,1508.946777 1379.656616,1518.818115
	C1374.440796,1519.124512 1369.227905,1519.623779 1364.008789,1519.699707
	C1350.290649,1519.899658 1336.616577,1520.391479 1321.531006,1523.598633
z"/>
<path fill="#586174" opacity="1.000000" stroke="none"
	d="
M1490.792480,1283.481934
	C1491.503296,1293.521362 1484.181885,1297.715576 1478.128052,1302.759399
	C1474.573730,1305.720703 1470.412231,1307.984375 1467.015503,1311.098267
	C1448.406128,1328.158081 1429.697876,1345.123169 1411.510742,1362.626953
	C1393.743164,1379.727051 1376.300293,1397.184204 1359.194092,1414.946045
	C1341.710938,1433.099243 1325.314697,1452.232544 1309.408203,1471.813477
	C1303.623535,1478.934448 1295.809937,1484.407227 1288.216187,1491.887207
	C1282.366333,1483.057861 1277.222534,1472.973267 1273.378662,1461.307861
	C1277.935303,1457.578979 1282.053711,1456.098145 1284.313354,1453.178589
	C1303.410767,1428.502563 1325.268677,1406.236938 1346.767090,1383.827148
	C1371.534912,1358.009277 1395.554077,1331.244873 1424.278809,1309.372437
	C1434.226807,1301.797363 1441.622925,1291.132812 1452.790283,1284.682495
	C1458.350464,1281.470947 1460.602051,1275.818970 1459.812256,1269.244019
	C1469.756226,1273.733643 1479.700195,1278.223267 1490.792480,1283.481934
z"/>
<path fill="#677083" opacity="1.000000" stroke="none"
	d="
M1458.602783,1268.446045
	C1460.602051,1275.818970 1458.350464,1281.470947 1452.790283,1284.682495
	C1441.622925,1291.132812 1434.226807,1301.797363 1424.278809,1309.372437
	C1395.554077,1331.244873 1371.534912,1358.009277 1346.767090,1383.827148
	C1325.268677,1406.236938 1303.410767,1428.502563 1284.313354,1453.178589
	C1282.053711,1456.098145 1277.935303,1457.578979 1273.282837,1459.877563
	C1266.965210,1450.223145 1262.043213,1440.417969 1258.600098,1429.234009
	C1272.171265,1426.716064 1278.380005,1416.881348 1284.232300,1408.804443
	C1292.898560,1396.844116 1303.578247,1387.101074 1313.489380,1376.491333
	C1322.973511,1366.338623 1332.350098,1356.084473 1341.917236,1346.011108
	C1347.382446,1340.256836 1352.624512,1334.117920 1358.849121,1329.289307
	C1379.799927,1313.037231 1395.350952,1290.847778 1417.702148,1276.171387
	C1419.868286,1274.749023 1421.382324,1272.366455 1423.329468,1270.571167
	C1427.677246,1266.562378 1428.176514,1261.378784 1428.009033,1255.955322
	C1437.803833,1259.852783 1447.598511,1263.750366 1458.602783,1268.446045
z"/>
<path fill="#445881" opacity="1.000000" stroke="none"
	d="
M1448.880127,1233.251465
	C1448.315430,1222.179688 1456.177734,1217.057373 1462.630737,1211.871094
	C1499.785767,1182.009644 1538.779663,1154.630981 1578.181030,1127.828857
	C1584.293823,1123.670654 1590.358643,1119.664185 1599.838013,1120.545532
	C1597.575928,1127.617310 1593.567261,1134.397583 1589.855591,1141.336914
	C1579.925293,1159.902832 1570.122681,1178.536865 1558.316162,1198.549683
	C1554.422974,1200.312988 1552.044312,1200.070312 1550.609985,1201.119019
	C1533.098145,1213.923828 1515.682861,1226.862183 1498.348755,1239.907227
	C1494.547729,1242.767822 1492.029175,1246.648071 1491.957520,1251.691650
	C1477.899536,1245.895142 1463.841553,1240.098633 1448.880127,1233.251465
z"/>
<path fill="#707B8E" opacity="1.000000" stroke="none"
	d="
M1426.904785,1255.117554
	C1428.176514,1261.378784 1427.677246,1266.562378 1423.329468,1270.571167
	C1421.382324,1272.366455 1419.868286,1274.749023 1417.702148,1276.171387
	C1395.350952,1290.847778 1379.799927,1313.037231 1358.849121,1329.289307
	C1352.624512,1334.117920 1347.382446,1340.256836 1341.917236,1346.011108
	C1332.350098,1356.084473 1322.973511,1366.338623 1313.489380,1376.491333
	C1303.578247,1387.101074 1292.898560,1396.844116 1284.232300,1408.804443
	C1278.380005,1416.881348 1272.171265,1426.716064 1258.718506,1427.867310
	C1253.865356,1419.792725 1250.372803,1411.706055 1246.616211,1402.177490
	C1252.674927,1400.175781 1257.459595,1397.028809 1261.420776,1392.186157
	C1294.170898,1352.148682 1333.247681,1318.227661 1369.043945,1281.133179
	C1373.106689,1276.923096 1378.734741,1274.247925 1382.944214,1270.149536
	C1389.835815,1263.439575 1399.783203,1258.790649 1399.959351,1245.614502
	C1408.583740,1247.532471 1417.192139,1250.906128 1426.904785,1255.117554
z"/>
<path fill="#465A84" opacity="1.000000" stroke="none"
	d="
M1121.906250,1600.708618
	C1118.911621,1593.301758 1121.863281,1586.601440 1126.092773,1580.566528
	C1145.779175,1552.477051 1165.467285,1524.384277 1185.569702,1496.592896
	C1197.148560,1480.585205 1209.409668,1465.064087 1221.643066,1449.544189
	C1223.522705,1447.159668 1226.911621,1445.965088 1231.028198,1444.078613
	C1238.827026,1457.671143 1245.200195,1471.405396 1250.374023,1486.704346
	C1246.376709,1489.940796 1243.043945,1491.098877 1240.865845,1493.366211
	C1224.312866,1510.597656 1211.011719,1530.374756 1197.574707,1550.000244
	C1195.899414,1552.447021 1196.404297,1556.386475 1195.898926,1559.634277
	C1171.686768,1573.202759 1147.474731,1586.771240 1121.906250,1600.708618
z"/>
<path fill="#2B3343" opacity="1.000000" stroke="none"
	d="
M1381.498047,1519.140015
	C1380.101685,1508.946777 1384.836182,1501.275391 1391.583618,1494.379150
	C1408.758667,1476.825806 1425.781494,1459.122681 1442.768188,1441.386475
	C1446.883301,1437.089722 1450.559814,1432.376343 1454.555542,1427.961060
	C1457.676270,1424.512695 1460.487305,1420.469482 1464.289185,1418.009155
	C1477.835327,1409.242310 1488.146362,1396.989014 1499.978760,1386.383301
	C1504.771606,1382.087402 1511.172363,1379.585693 1518.201660,1376.064331
	C1519.656860,1389.338745 1519.752075,1402.816284 1518.334229,1418.157593
	C1511.809082,1419.817993 1507.951538,1422.069336 1504.512695,1425.516479
	C1482.465210,1447.616699 1460.058472,1469.371216 1438.469604,1491.909546
	C1431.343994,1499.348511 1423.702759,1507.414307 1423.897705,1519.180542
	C1410.378296,1519.274292 1396.858887,1519.368164 1381.498047,1519.140015
z"/>
<path fill="#1B2435" opacity="1.000000" stroke="none"
	d="
M1520.486694,1451.871826
	C1521.498169,1453.533936 1523.297974,1455.149292 1523.399658,1456.865356
	C1524.450928,1474.609619 1527.575684,1491.990356 1531.370972,1509.329712
	C1533.303711,1518.160156 1526.764771,1526.560181 1517.630737,1527.641357
	C1511.777832,1528.333984 1505.677368,1528.474609 1499.862305,1527.642700
	C1484.951538,1525.509399 1470.138062,1522.695068 1453.783447,1518.655518
	C1464.192749,1495.533569 1482.009521,1478.950317 1500.082886,1462.860962
	C1505.602417,1457.947510 1511.860718,1452.083130 1520.486694,1451.871826
z"/>
<path fill="#242D40" opacity="1.000000" stroke="none"
	d="
M1520.386353,1450.108643
	C1511.860718,1452.083130 1505.602417,1457.947510 1500.082886,1462.860962
	C1482.009521,1478.950317 1464.192749,1495.533569 1452.129028,1518.542603
	C1443.782837,1519.838867 1435.588501,1519.750488 1425.645996,1519.421387
	C1423.702759,1507.414307 1431.343994,1499.348511 1438.469604,1491.909546
	C1460.058472,1469.371216 1482.465210,1447.616699 1504.512695,1425.516479
	C1507.951538,1422.069336 1511.809082,1419.817993 1518.247803,1419.986328
	C1519.878052,1429.416016 1520.082031,1438.880615 1520.386353,1450.108643
z"/>
<path fill="#7998D3" opacity="1.000000" stroke="none"
	d="
M1523.969971,1592.073242
	C1525.539185,1588.525879 1526.703247,1584.717896 1528.775879,1581.494263
	C1531.630493,1577.054321 1535.171753,1573.055908 1539.661011,1568.249756
	C1545.341187,1568.549438 1549.800781,1569.374512 1554.213135,1570.402954
	C1569.900269,1574.060181 1577.917847,1565.600586 1573.805908,1549.590454
	C1572.665405,1545.149292 1571.277832,1540.771362 1569.902100,1534.810791
	C1574.343872,1531.017700 1578.971069,1528.930908 1583.402466,1526.488770
	C1586.726562,1524.656860 1589.798828,1522.367798 1595.099487,1521.431152
	C1598.397583,1528.415039 1599.579468,1534.249878 1600.632812,1541.647705
	C1601.553345,1551.431763 1602.602417,1559.652954 1602.306152,1568.064453
	C1589.206909,1574.389771 1581.162231,1584.494873 1573.141113,1594.556274
	C1572.072998,1595.896118 1572.305176,1598.272705 1570.246094,1600.152466
	C1561.828125,1599.463745 1555.099487,1598.791626 1547.083374,1597.457764
	C1538.698364,1594.400513 1530.360474,1597.736816 1523.969971,1592.073242
z"/>
<path fill="#394B70" opacity="1.000000" stroke="none"
	d="
M1197.317871,1559.355469
	C1196.404297,1556.386475 1195.899414,1552.447021 1197.574707,1550.000244
	C1211.011719,1530.374756 1224.312866,1510.597656 1240.865845,1493.366211
	C1243.043945,1491.098877 1246.376709,1489.940796 1250.553711,1488.136475
	C1258.674072,1501.499146 1265.415405,1514.994263 1272.652100,1529.481201
	C1268.468262,1532.094971 1265.560181,1534.642578 1262.173096,1535.908691
	C1241.087280,1543.790894 1219.894409,1551.386353 1197.317871,1559.355469
z"/>
<path fill="#394B70" opacity="1.000000" stroke="none"
	d="
M1493.117676,1252.506348
	C1492.029175,1246.648071 1494.547729,1242.767822 1498.348755,1239.907227
	C1515.682861,1226.862183 1533.098145,1213.923828 1550.609985,1201.119019
	C1552.044312,1200.070312 1554.422974,1200.312988 1557.756836,1199.884033
	C1550.774780,1223.180420 1542.398804,1246.548096 1533.704712,1270.803467
	C1519.422974,1266.833496 1507.106445,1259.464722 1493.117676,1252.506348
z"/>
<path fill="#637EB2" opacity="1.000000" stroke="none"
	d="
M1527.661743,1562.686523
	C1526.115601,1563.297852 1523.754028,1563.000488 1520.601929,1561.748657
	C1522.156372,1561.122192 1524.501343,1561.450073 1527.661743,1562.686523
z"/>
<path fill="#293859" opacity="1.000000" stroke="none"
	d="
M1154.430908,1612.012329
	C1155.635376,1613.276001 1155.102051,1614.364258 1152.689087,1615.068848
	C1151.842651,1613.850342 1152.470459,1612.901001 1154.430908,1612.012329
z"/>
<path fill="#060D1F" opacity="1.000000" stroke="none"
	d="
M1112.933350,1607.643799
	C1112.738159,1606.870483 1113.334839,1605.754517 1114.931152,1604.673828
	C1115.467529,1605.804321 1114.732300,1606.668335 1112.933350,1607.643799
z"/>
<path fill="#9BB8F0" opacity="1.000000" stroke="none"
	d="
M1696.616943,3814.916260
	C1690.433228,3809.173828 1685.467651,3803.838623 1680.368408,3798.634277
	C1603.961426,3720.656006 1560.687500,3627.520020 1551.049072,3518.579102
	C1545.772217,3458.935791 1551.025146,3400.501709 1569.491455,3341.582031
	C1574.995728,3341.404541 1578.929199,3341.963135 1581.763672,3344.029541
	C1586.146118,3347.224609 1590.739990,3348.208984 1595.932129,3349.853760
	C1595.792725,3365.058105 1595.589722,3378.437256 1594.615479,3393.258057
	C1593.535889,3397.341064 1593.021851,3399.976562 1592.950073,3402.624268
	C1591.918945,3440.658936 1595.008789,3478.462158 1601.023560,3515.941650
	C1605.236816,3542.196289 1611.724609,3568.015869 1620.382080,3593.263184
	C1640.954102,3653.256348 1672.444458,3706.916260 1714.317749,3754.363281
	C1749.583496,3794.323242 1791.385254,3826.041016 1840.451050,3847.106445
	C1906.601562,3875.506592 1975.597778,3884.982666 2047.360352,3876.997559
	C2098.291260,3871.330566 2146.346680,3857.054199 2192.061279,3834.452881
	C2259.117432,3801.300293 2317.624512,3756.950195 2366.550293,3700.165527
	C2370.427734,3695.665283 2375.046387,3691.803711 2381.034424,3687.935547
	C2391.750488,3692.397461 2401.432129,3692.033203 2410.995361,3692.458008
	C2339.760010,3819.270508 2232.630615,3897.093262 2090.515625,3926.998779
	C2078.830566,3929.457520 2066.876953,3930.639404 2051.978760,3932.604492
	C2044.270996,3933.722412 2039.632324,3934.650391 2034.993652,3935.578369
	C2017.875244,3935.450195 2000.756836,3935.322021 1981.802246,3935.475586
	C1964.259766,3933.465820 1948.518188,3931.389893 1932.852539,3928.846436
	C1851.059448,3915.566650 1778.606689,3881.699463 1714.551636,3829.438965
	C1708.899292,3824.826904 1703.363159,3820.072266 1696.616943,3814.916260
z"/>
<path fill="#526997" opacity="1.000000" stroke="none"
	d="
M1699.800781,3854.585693
	C1695.344238,3854.689941 1689.889160,3854.419922 1685.229736,3852.354736
	C1674.322388,3847.521484 1663.457031,3842.405029 1653.184814,3836.365723
	C1629.820435,3822.627930 1606.759766,3808.368652 1583.697388,3794.124268
	C1566.251709,3783.348877 1548.442505,3773.042236 1531.777222,3761.150391
	C1503.836426,3741.213379 1475.074585,3722.343262 1449.177979,3699.606689
	C1442.268188,3693.540283 1434.012329,3689.034912 1426.786133,3683.294434
	C1418.028687,3676.337891 1408.796143,3669.665039 1404.122559,3657.391602
	C1416.348389,3650.699219 1428.701660,3645.389404 1442.648071,3641.297607
	C1445.497070,3651.256836 1454.415039,3652.212402 1459.332397,3657.258301
	C1476.001221,3674.364258 1496.093140,3687.215820 1515.404785,3700.937256
	C1539.591431,3718.123047 1564.517334,3734.265381 1588.850342,3751.250244
	C1594.189209,3754.976318 1599.326416,3756.517822 1605.508179,3755.226074
	C1607.140381,3757.989990 1608.384766,3761.095459 1610.468750,3763.461426
	C1622.085449,3776.649658 1633.905151,3789.658936 1646.832764,3803.359375
	C1661.029663,3817.041504 1673.981567,3830.162354 1687.111328,3843.102783
	C1690.864502,3846.802002 1695.132202,3849.979004 1699.800781,3854.585693
z"/>
<path fill="#4F6694" opacity="1.000000" stroke="none"
	d="
M2300.528076,4022.405273
	C2287.916748,4023.679932 2275.588623,4024.000488 2263.016113,4021.035400
	C2251.668701,4018.359131 2239.580322,4018.040039 2227.828369,4016.554199
	C2203.648193,4013.497314 2179.858887,4008.335938 2155.804443,4004.897461
	C2110.661865,3998.444580 2066.919434,3985.978027 2022.629517,3975.854736
	C2015.469116,3974.218018 2008.470703,3972.071045 2004.157104,3963.740723
	C2009.377930,3961.921387 2014.996460,3961.306396 2022.304688,3960.434082
	C2049.253174,3961.420166 2074.058594,3957.979248 2098.725830,3953.015137
	C2101.957031,3952.364990 2105.273438,3952.139404 2110.895020,3953.034668
	C2117.903564,3961.088135 2125.888428,3962.127930 2132.543213,3963.185303
	C2159.110352,3967.407471 2185.225830,3974.067383 2212.146240,3976.662842
	C2223.825928,3977.788574 2235.949219,3978.253662 2247.240723,3981.048584
	C2259.792725,3984.155273 2272.063721,3983.796875 2284.559570,3983.730225
	C2289.915039,3996.119629 2295.270508,4008.509277 2300.528076,4022.405273
z"/>
<path fill="#1B2435" opacity="1.000000" stroke="none"
	d="
M1871.294800,3978.723389
	C1857.707397,3982.568359 1845.965576,3975.106689 1833.780151,3970.476074
	C1810.280640,3961.545410 1787.125732,3951.681885 1764.022217,3941.753174
	C1758.188110,3939.245850 1751.022949,3937.871826 1748.199219,3929.147949
	C1754.497437,3917.571289 1766.529663,3915.470215 1775.622192,3909.077881
	C1779.989868,3906.007324 1785.766235,3909.033447 1790.733276,3911.339355
	C1803.351318,3917.197998 1816.046265,3922.908936 1828.870117,3928.299316
	C1836.184570,3931.373291 1843.826904,3933.661621 1851.294067,3936.379395
	C1857.983765,3938.814453 1862.285889,3943.252197 1863.906372,3950.464844
	C1865.928955,3959.467285 1868.477417,3968.351807 1871.294800,3978.723389
z"/>
<path fill="#071C4A" opacity="1.000000" stroke="none"
	d="
M2295.484619,3924.473633
	C2286.336426,3913.446289 2284.798584,3899.341064 2280.413818,3886.437012
	C2278.268555,3880.123535 2282.106201,3875.064697 2287.138184,3871.254639
	C2293.402344,3866.511475 2299.757812,3861.889160 2306.024902,3857.149902
	C2311.241699,3853.205566 2316.388184,3849.168213 2324.426270,3844.791504
	C2335.376709,3848.322998 2344.038574,3847.986816 2352.705566,3848.043213
	C2364.673096,3848.121338 2376.936768,3847.017090 2388.510010,3849.290039
	C2397.782715,3851.110840 2406.836914,3851.927979 2416.110596,3851.973877
	C2431.424072,3852.049561 2446.738281,3852.044189 2462.051514,3851.959229
	C2466.699463,3851.933594 2471.770020,3852.653320 2475.908691,3851.084473
	C2486.289795,3847.148682 2496.894287,3848.167480 2507.479980,3848.026367
	C2517.465576,3847.893066 2527.454102,3847.967529 2537.441162,3847.972900
	C2541.540771,3847.975098 2545.428467,3847.500244 2548.043945,3843.778564
	C2562.159912,3854.608398 2576.328125,3865.371582 2590.332520,3876.343994
	C2592.313965,3877.896973 2593.494873,3880.471191 2595.629395,3883.362793
	C2591.272461,3894.895752 2586.864502,3906.563965 2579.910156,3918.541504
	C2571.536865,3917.956787 2565.159668,3915.081787 2559.980225,3916.519775
	C2540.247070,3921.999268 2520.273682,3919.143066 2500.428711,3920.026855
	C2495.791992,3920.233154 2491.155762,3920.628174 2486.541504,3921.137695
	C2478.669678,3922.007568 2470.833252,3923.629883 2462.949463,3923.870361
	C2448.301270,3924.317627 2433.629150,3924.040771 2418.967529,3923.973633
	C2414.311523,3923.952393 2409.253174,3924.757812 2405.077881,3923.249512
	C2392.723389,3918.787354 2380.070557,3920.407715 2367.497803,3919.988525
	C2352.284668,3919.481201 2336.933594,3921.680176 2321.954346,3916.529053
	C2317.760986,3915.087158 2312.703613,3916.094727 2308.042725,3916.091797
	C2302.025635,3916.087891 2298.161865,3919.417969 2295.484619,3924.473633
z"/>
<path fill="#092661" opacity="1.000000" stroke="none"
	d="
M2295.645996,3925.985840
	C2298.161865,3919.417969 2302.025635,3916.087891 2308.042725,3916.091797
	C2312.703613,3916.094727 2317.760986,3915.087158 2321.954346,3916.529053
	C2336.933594,3921.680176 2352.284668,3919.481201 2367.497803,3919.988525
	C2380.070557,3920.407715 2392.723389,3918.787354 2405.077881,3923.249512
	C2409.253174,3924.757812 2414.311523,3923.952393 2418.967529,3923.973633
	C2433.629150,3924.040771 2448.301270,3924.317627 2462.949463,3923.870361
	C2470.833252,3923.629883 2478.669678,3922.007568 2486.541504,3921.137695
	C2491.155762,3920.628174 2495.791992,3920.233154 2500.428711,3920.026855
	C2520.273682,3919.143066 2540.247070,3921.999268 2559.980225,3916.519775
	C2565.159668,3915.081787 2571.536865,3917.956787 2578.875977,3919.493164
	C2573.184814,3944.124268 2565.208252,3967.829346 2553.489258,3991.494141
	C2549.818115,3987.362061 2545.942871,3984.036377 2539.953857,3984.103516
	C2534.655762,3984.163086 2528.910156,3983.233398 2524.156250,3984.945557
	C2513.758057,3988.690186 2503.223877,3987.946777 2492.666260,3987.967773
	C2452.821777,3988.046143 2412.976318,3988.149170 2373.133789,3987.863281
	C2365.299805,3987.807129 2357.463379,3986.167725 2349.654053,3985.072998
	C2340.411133,3983.777344 2331.207764,3982.454834 2320.801758,3987.563721
	C2314.798096,3978.662842 2309.843994,3969.342041 2306.088867,3959.560547
	C2302.072510,3949.099365 2299.186768,3938.203857 2295.645996,3925.985840
z"/>
<path fill="#061232" opacity="1.000000" stroke="none"
	d="
M2547.455078,3842.602051
	C2545.428467,3847.500244 2541.540771,3847.975098 2537.441162,3847.972900
	C2527.454102,3847.967529 2517.465576,3847.893066 2507.479980,3848.026367
	C2496.894287,3848.167480 2486.289795,3847.148682 2475.908691,3851.084473
	C2471.770020,3852.653320 2466.699463,3851.933594 2462.051514,3851.959229
	C2446.738281,3852.044189 2431.424072,3852.049561 2416.110596,3851.973877
	C2406.836914,3851.927979 2397.782715,3851.110840 2388.510010,3849.290039
	C2376.936768,3847.017090 2364.673096,3848.121338 2352.705566,3848.043213
	C2344.038574,3847.986816 2335.376709,3848.322998 2325.624268,3844.183350
	C2327.368896,3839.933838 2330.543945,3835.684814 2334.226074,3831.933350
	C2346.314453,3819.617676 2358.372803,3807.258301 2370.849854,3795.342285
	C2383.367188,3783.388184 2394.078613,3770.006104 2404.101074,3755.986816
	C2406.401367,3752.769531 2408.833252,3749.614990 2411.499512,3746.701660
	C2413.266113,3744.771484 2415.329834,3742.373779 2417.652344,3741.815186
	C2430.679932,3738.682617 2443.899658,3739.265381 2456.998779,3741.366943
	C2459.177002,3741.716553 2461.505859,3744.260986 2462.822510,3746.377686
	C2483.704102,3779.946533 2512.453613,3806.552979 2540.121826,3834.123291
	C2542.466797,3836.459961 2544.622314,3838.987061 2547.455078,3842.602051
z"/>
<path fill="#445881" opacity="1.000000" stroke="none"
	d="
M2768.517578,3953.643799
	C2761.671143,3959.069336 2753.731201,3962.887695 2744.162354,3964.435059
	C2709.210449,3970.087646 2674.460449,3976.989014 2639.622803,3983.354248
	C2637.039795,3983.826416 2634.358643,3983.996094 2631.730469,3983.942383
	C2621.793457,3983.739258 2612.029785,3984.151611 2602.416260,3987.398926
	C2598.838379,3988.607422 2594.558105,3987.736328 2588.781006,3987.651855
	C2592.517822,3972.641113 2598.071533,3957.791992 2605.793945,3941.511719
	C2622.197021,3938.584961 2636.458740,3937.305420 2650.652100,3935.488525
	C2656.434570,3934.748291 2662.322266,3933.456299 2667.675293,3931.239502
	C2670.954102,3929.882080 2673.308105,3926.291016 2676.077637,3923.703125
	C2705.861084,3935.356445 2736.547607,3944.170898 2768.517578,3953.643799
z"/>
<path fill="#445881" opacity="1.000000" stroke="none"
	d="
M2284.415527,3982.254150
	C2272.063721,3983.796875 2259.792725,3984.155273 2247.240723,3981.048584
	C2235.949219,3978.253662 2223.825928,3977.788574 2212.146240,3976.662842
	C2185.225830,3974.067383 2159.110352,3967.407471 2132.543213,3963.185303
	C2125.888428,3962.127930 2117.903564,3961.088135 2112.575439,3953.019531
	C2118.632812,3949.583496 2125.399170,3947.612061 2132.067871,3945.352539
	C2152.413818,3938.458252 2172.722412,3931.453125 2194.791504,3925.771973
	C2200.070068,3933.994141 2207.491943,3934.519043 2213.411377,3935.292236
	C2231.491943,3937.653809 2249.478271,3942.042725 2267.956299,3940.016602
	C2273.394531,3953.603760 2278.832764,3967.190918 2284.415527,3982.254150
z"/>
<path fill="#6E8BC2" opacity="1.000000" stroke="none"
	d="
M2445.493896,3660.503906
	C2439.883545,3661.067383 2433.844238,3659.625732 2426.285400,3663.841797
	C2419.428223,3662.413086 2415.232178,3661.426514 2411.287598,3659.822510
	C2408.614014,3658.735107 2406.293457,3656.779785 2404.022217,3653.888672
	C2413.341309,3638.879883 2422.370605,3625.138672 2431.627441,3611.552490
	C2433.722168,3608.477783 2435.742432,3604.483887 2441.898193,3606.282471
	C2452.009521,3622.183350 2462.554688,3638.766113 2471.343750,3655.544434
	C2461.194824,3655.498779 2453.162842,3657.083496 2445.493896,3660.503906
z"/>
<path fill="#36476D" opacity="1.000000" stroke="none"
	d="
M2267.885742,3938.524902
	C2249.478271,3942.042725 2231.491943,3937.653809 2213.411377,3935.292236
	C2207.491943,3934.519043 2200.070068,3933.994141 2196.255127,3925.593506
	C2213.991455,3915.027100 2232.010254,3905.918945 2250.920410,3896.360352
	C2258.602783,3910.083008 2263.067383,3923.620361 2267.885742,3938.524902
z"/>
<path fill="#36476D" opacity="1.000000" stroke="none"
	d="
M2675.222168,3922.647949
	C2673.308105,3926.291016 2670.954102,3929.882080 2667.675293,3931.239502
	C2662.322266,3933.456299 2656.434570,3934.748291 2650.652100,3935.488525
	C2636.458740,3937.305420 2622.197021,3938.584961 2606.295410,3940.132812
	C2608.338379,3929.577637 2611.615234,3918.791748 2615.893066,3908.418945
	C2619.479980,3899.720703 2624.983643,3897.528076 2633.435303,3901.232666
	C2643.743652,3905.750732 2653.687012,3911.103271 2663.771729,3916.127930
	C2667.328125,3917.899902 2670.836426,3919.768066 2675.222168,3922.647949
z"/>
<path fill="#83A4E3" opacity="1.000000" stroke="none"
	d="
M2403.814941,3655.212646
	C2406.293457,3656.779785 2408.614014,3658.735107 2411.287598,3659.822510
	C2415.232178,3661.426514 2419.428223,3662.413086 2425.099365,3664.155029
	C2422.062012,3673.356689 2417.442627,3682.065918 2411.909180,3691.616455
	C2401.432129,3692.033203 2391.750488,3692.397461 2381.291992,3686.767578
	C2380.296631,3683.784912 2380.757812,3682.260010 2382.182129,3679.834229
	C2390.035156,3671.026367 2396.925049,3663.119629 2403.814941,3655.212646
z"/>
<path fill="#83A4E3" opacity="1.000000" stroke="none"
	d="
M2446.200684,3661.743896
	C2453.162842,3657.083496 2461.194824,3655.498779 2472.267334,3656.462646
	C2481.632568,3664.997314 2488.318115,3672.809326 2495.293457,3681.771973
	C2496.071289,3684.425049 2496.559326,3685.927246 2497.047363,3687.429199
	C2487.055420,3687.645508 2477.063477,3687.861816 2465.196777,3688.095703
	C2457.850098,3679.736816 2452.378662,3671.360352 2446.200684,3661.743896
z"/>
<path fill="#060D1F" opacity="1.000000" stroke="none"
	d="
M2833.565430,3934.282715
	C2842.152588,3933.703857 2852.029785,3934.025146 2863.385498,3935.000488
	C2854.861084,3935.497314 2844.858154,3935.340088 2833.565430,3934.282715
z"/>
<path fill="#060D1F" opacity="1.000000" stroke="none"
	d="
M2036.458496,3935.773926
	C2039.632324,3934.650391 2044.270996,3933.722412 2050.321533,3933.074219
	C2047.683594,3937.148438 2042.697021,3935.997070 2036.458496,3935.773926
z"/>
<path fill="#174BAC" opacity="1.000000" stroke="none"
	d="
M1595.440308,1484.025146
	C1590.113281,1463.671753 1592.438721,1442.979004 1593.533203,1422.495483
	C1594.559814,1403.284790 1597.133179,1384.118042 1599.801636,1365.040405
	C1611.946899,1278.207031 1642.364746,1198.877075 1699.778564,1131.663452
	C1745.862427,1077.713745 1801.050537,1035.445312 1868.223389,1010.651489
	C1921.427124,991.013672 1976.187622,984.311035 2032.942871,990.529480
	C2090.517334,996.837769 2144.963867,1013.032837 2197.106445,1037.357666
	C2237.714600,1056.301636 2274.906738,1080.851562 2308.577148,1110.513794
	C2327.034912,1126.774170 2345.905273,1142.675049 2360.133301,1165.563965
	C2358.556641,1170.837402 2357.249023,1173.424194 2354.848633,1175.511475
	C2350.540527,1172.655273 2347.325684,1170.298584 2343.501465,1166.757080
	C2319.563965,1138.925537 2292.502930,1116.333862 2264.380859,1095.123901
	C2241.020996,1077.505493 2215.882080,1062.264648 2189.707764,1049.265503
	C2168.942139,1038.952637 2147.134277,1030.741699 2124.954346,1023.484253
	C2085.488281,1010.570557 2045.124023,1005.010376 2003.754028,1003.757751
	C1981.633423,1003.087952 1960.137939,1007.522583 1938.272339,1008.579895
	C1928.448730,1009.054871 1918.494019,1011.097656 1909.033447,1013.897766
	C1889.963379,1019.542053 1870.867676,1025.366089 1852.367065,1032.609131
	C1819.918335,1045.312866 1790.143188,1063.266113 1764.273682,1086.425293
	C1743.031128,1105.442627 1722.275757,1125.286499 1705.325928,1148.633179
	C1686.930298,1173.971436 1670.157837,1200.356323 1656.227051,1228.310791
	C1643.779541,1253.289062 1634.226440,1279.616821 1626.656616,1306.538208
	C1615.497314,1346.225586 1607.079468,1386.361206 1607.926270,1427.936157
	C1608.224609,1442.590088 1608.041260,1457.253906 1608.041748,1473.437622
	C1607.953613,1478.011963 1607.901733,1481.061890 1606.839355,1483.666870
	C1602.126343,1480.388428 1598.849854,1483.066772 1595.440308,1484.025146
z"/>
<path fill="#7897D1" opacity="1.000000" stroke="none"
	d="
M2462.697998,1180.563477
	C2466.323975,1184.771973 2470.057373,1187.594849 2475.834961,1188.076172
	C2479.514893,1188.382690 2483.102295,1189.803345 2487.303223,1193.245361
	C2483.602783,1202.267944 2479.329834,1208.769653 2474.001221,1216.004150
	C2467.707275,1223.406616 2462.469238,1230.076416 2455.317383,1236.499756
	C2441.995361,1236.325806 2430.587891,1236.398315 2417.977539,1236.068848
	C2412.505859,1230.433594 2408.236816,1225.200195 2403.945801,1218.590942
	C2400.639404,1212.643433 2397.225586,1208.158081 2394.113281,1203.472168
	C2391.721436,1199.871094 2389.709961,1196.017578 2387.529297,1192.276367
	C2396.157715,1190.171631 2404.557617,1186.700195 2415.454346,1187.855469
	C2419.972412,1192.143311 2422.674316,1196.543213 2425.595459,1200.792480
	C2432.703125,1211.132202 2444.349365,1211.029175 2451.172852,1200.301636
	C2455.031494,1194.234985 2458.104736,1187.668579 2462.697998,1180.563477
z"/>
<path fill="#123E92" opacity="1.000000" stroke="none"
	d="
M2386.441406,1191.512207
	C2389.709961,1196.017578 2391.721436,1199.871094 2394.113281,1203.472168
	C2397.225586,1208.158081 2400.639404,1212.643433 2402.666016,1218.778564
	C2397.220947,1221.223633 2396.311035,1224.435425 2394.747559,1227.429932
	C2389.346436,1221.149414 2385.256348,1215.379883 2380.891846,1209.825806
	C2378.170898,1206.363525 2375.035400,1203.226685 2371.503418,1198.764160
	C2364.912598,1191.098267 2359.247559,1184.373657 2355.941406,1176.010986
	C2357.249023,1173.424194 2358.556641,1170.837402 2360.301270,1166.847412
	C2363.801270,1167.891479 2367.207031,1170.018433 2369.854980,1172.853149
	C2375.237793,1178.615723 2380.211426,1184.760620 2386.441406,1191.512207
z"/>
<path fill="#103F9A" opacity="1.000000" stroke="none"
	d="
M1595.283691,1485.815918
	C1598.849854,1483.066772 1602.126343,1480.388428 1606.875732,1485.221436
	C1607.688599,1494.471069 1608.109375,1501.594849 1611.942383,1509.722656
	C1611.059448,1521.279297 1613.376221,1530.747314 1614.287842,1540.152344
	C1608.774536,1540.096802 1604.767944,1540.090820 1600.761475,1540.084961
	C1599.579468,1534.249878 1598.397583,1528.415039 1596.536133,1521.253174
	C1595.613525,1509.153198 1595.370361,1498.379883 1595.283691,1485.815918
z"/>
<path fill="#081F52" opacity="1.000000" stroke="none"
	d="
M2296.090088,1003.912109
	C2291.220947,1000.547058 2286.352051,997.182007 2281.803223,994.038269
	C2276.978271,982.370117 2283.319336,972.907471 2286.461914,963.114380
	C2289.676270,953.097656 2293.779053,943.365967 2299.353027,933.919189
	C2306.563721,941.467224 2314.189453,941.247375 2321.117920,938.801941
	C2329.603516,935.807007 2338.080078,936.063110 2346.676514,936.011108
	C2358.645752,935.938660 2370.616211,936.061157 2382.584717,935.954102
	C2387.224854,935.912659 2392.294922,936.589050 2396.412598,934.990112
	C2406.132080,931.216125 2416.049561,932.090271 2425.960205,932.031982
	C2441.252930,931.942078 2457.020264,929.747681 2471.726074,932.712830
	C2492.302002,936.861572 2512.699463,935.168091 2533.172119,935.989502
	C2537.818359,936.175964 2543.138428,934.898987 2546.984131,936.734558
	C2557.078857,941.553284 2566.381836,938.779236 2575.949219,935.977905
	C2580.887695,948.701416 2586.510254,961.210449 2590.584473,974.204895
	C2595.233398,989.032349 2592.673096,993.867676 2575.901611,1002.771118
	C2558.306396,999.954468 2543.718506,995.756958 2528.421875,995.953613
	C2515.168945,996.124084 2501.911621,996.071716 2488.657715,995.939087
	C2484.045410,995.892944 2479.063721,996.316162 2474.908203,994.764343
	C2466.504150,991.626343 2457.974609,991.803528 2449.407471,992.052246
	C2430.317139,992.606445 2411.012207,989.672241 2392.216064,995.691406
	C2389.195312,996.658813 2385.631592,995.969849 2382.318848,995.978760
	C2373.703125,996.001892 2365.039307,996.569885 2356.481445,995.867004
	C2338.441406,994.385498 2321.233154,1000.673706 2303.402344,1000.947571
	C2300.950195,1000.985229 2298.526855,1002.878113 2296.090088,1003.912109
z"/>
<path fill="#051841" opacity="1.000000" stroke="none"
	d="
M2296.815430,1005.020874
	C2298.526855,1002.878113 2300.950195,1000.985229 2303.402344,1000.947571
	C2321.233154,1000.673706 2338.441406,994.385498 2356.481445,995.867004
	C2365.039307,996.569885 2373.703125,996.001892 2382.318848,995.978760
	C2385.631592,995.969849 2389.195312,996.658813 2392.216064,995.691406
	C2411.012207,989.672241 2430.317139,992.606445 2449.407471,992.052246
	C2457.974609,991.803528 2466.504150,991.626343 2474.908203,994.764343
	C2479.063721,996.316162 2484.045410,995.892944 2488.657715,995.939087
	C2501.911621,996.071716 2515.168945,996.124084 2528.421875,995.953613
	C2543.718506,995.756958 2558.306396,999.954468 2574.593750,1003.403503
	C2568.799561,1010.548645 2562.128662,1017.903931 2554.145752,1023.329041
	C2540.397705,1032.672363 2529.534424,1044.947632 2517.696045,1056.257324
	C2515.324707,1058.522827 2512.845459,1060.675659 2507.700684,1062.788818
	C2498.501221,1061.795044 2492.020752,1060.145630 2485.531738,1060.111694
	C2443.679199,1059.892212 2401.825195,1060.025757 2359.971436,1060.043457
	C2353.646729,1054.351929 2346.965332,1049.004639 2341.069580,1042.898804
	C2327.790527,1029.146606 2312.382568,1017.988892 2296.815430,1005.020874
z"/>
<path fill="#0C2964" opacity="1.000000" stroke="none"
	d="
M2575.792480,934.511963
	C2566.381836,938.779236 2557.078857,941.553284 2546.984131,936.734558
	C2543.138428,934.898987 2537.818359,936.175964 2533.172119,935.989502
	C2512.699463,935.168091 2492.302002,936.861572 2471.726074,932.712830
	C2457.020264,929.747681 2441.252930,931.942078 2425.960205,932.031982
	C2416.049561,932.090271 2406.132080,931.216125 2396.412598,934.990112
	C2392.294922,936.589050 2387.224854,935.912659 2382.584717,935.954102
	C2370.616211,936.061157 2358.645752,935.938660 2346.676514,936.011108
	C2338.080078,936.063110 2329.603516,935.807007 2321.117920,938.801941
	C2314.189453,941.247375 2306.563721,941.467224 2300.421631,932.966125
	C2303.361084,914.116150 2310.634521,897.895874 2318.585938,880.595398
	C2322.508789,881.065918 2325.259277,883.245300 2328.278076,883.720947
	C2332.833496,884.438721 2337.576416,883.996582 2342.239502,883.996704
	C2412.200195,883.999084 2482.160889,883.993225 2553.979004,883.983459
	C2562.436035,900.333801 2569.035889,916.689880 2575.792480,934.511963
z"/>
<path fill="#051029" opacity="1.000000" stroke="none"
	d="
M2360.551758,1061.247314
	C2401.825195,1060.025757 2443.679199,1059.892212 2485.531738,1060.111694
	C2492.020752,1060.145630 2498.501221,1061.795044 2506.515137,1063.395996
	C2504.003174,1070.071899 2500.746338,1076.824585 2495.761963,1081.870850
	C2484.089111,1093.688843 2474.518799,1107.015259 2465.053955,1120.527344
	C2458.652100,1129.666870 2451.708740,1138.427002 2444.984619,1147.387207
	C2439.080566,1147.387207 2433.863037,1147.387207 2428.873291,1147.387207
	C2428.065430,1146.954346 2427.282715,1146.791748 2426.937256,1146.313477
	C2406.105713,1117.492432 2385.054443,1088.846436 2360.551758,1061.247314
z"/>
<path fill="#475C86" opacity="1.000000" stroke="none"
	d="
M2583.034668,874.035767
	C2595.389648,872.053223 2607.981445,870.524048 2620.266602,875.222107
	C2623.226807,876.354126 2626.842773,876.028870 2630.147949,875.955078
	C2641.468018,875.702515 2652.437988,877.266907 2663.592041,879.551453
	C2682.298584,883.382874 2701.459473,884.938232 2720.277344,888.301941
	C2735.214355,890.971985 2749.925049,894.909546 2764.734131,898.293518
	C2773.091797,900.203308 2781.511230,901.895630 2789.755615,904.210327
	C2791.937988,904.823059 2793.574463,907.378601 2795.732666,910.499573
	C2787.623047,913.724304 2779.171387,915.211121 2770.876221,917.315735
	C2752.257324,922.039795 2733.716064,927.070801 2713.295898,930.573303
	C2710.747070,928.090149 2710.258301,926.334595 2709.310303,926.035583
	C2699.982666,923.094299 2690.812988,919.595520 2680.700439,919.890442
	C2675.516846,920.041565 2670.112549,919.618835 2665.124512,918.278687
	C2643.319092,912.420349 2621.246338,910.512573 2598.795898,912.597778
	C2593.615234,900.233154 2588.434570,887.868530 2583.034668,874.035767
z"/>
<path fill="#445881" opacity="1.000000" stroke="none"
	d="
M2101.340332,916.509949
	C2101.171387,913.550110 2101.872803,910.020935 2103.663574,909.334961
	C2109.748535,907.003967 2116.145996,905.316406 2122.553711,904.030457
	C2147.654297,898.993347 2172.803467,894.196472 2197.938965,889.334045
	C2200.520508,888.834656 2203.118408,888.298828 2205.732666,888.110413
	C2226.045166,886.645630 2246.232910,884.375427 2266.253662,880.457520
	C2272.007568,879.331543 2278.125244,880.063538 2285.813477,879.917480
	C2282.080322,894.104858 2276.609863,908.318604 2268.504639,923.430237
	C2249.071045,926.843994 2232.339600,930.118408 2215.450195,931.611206
	C2204.017822,932.621704 2193.513184,935.411560 2183.417236,940.475464
	C2164.088623,934.604797 2144.791748,928.627563 2125.415771,922.917297
	C2117.938965,920.713867 2110.283936,919.116882 2101.340332,916.509949
z"/>
<path fill="#3D4F76" opacity="1.000000" stroke="none"
	d="
M2599.028809,914.097534
	C2621.246338,910.512573 2643.319092,912.420349 2665.124512,918.278687
	C2670.112549,919.618835 2675.516846,920.041565 2680.700439,919.890442
	C2690.812988,919.595520 2699.982666,923.094299 2709.310303,926.035583
	C2710.258301,926.334595 2710.747070,928.090149 2711.738281,930.677551
	C2706.688965,934.625549 2701.374023,937.120483 2696.006348,939.496094
	C2678.472656,947.255737 2660.898926,954.924316 2643.385742,962.729248
	C2636.823486,965.653625 2630.385742,968.856445 2623.931152,971.913452
	C2613.340820,964.486633 2613.558105,952.840027 2609.429932,943.529785
	C2605.422607,934.492981 2602.602783,924.929504 2599.028809,914.097534
z"/>
<path fill="#394B70" opacity="1.000000" stroke="none"
	d="
M2184.385742,941.504089
	C2193.513184,935.411560 2204.017822,932.621704 2215.450195,931.611206
	C2232.339600,930.118408 2249.071045,926.843994 2267.666992,924.548828
	C2264.942627,937.951538 2260.531494,951.173401 2255.797119,964.278625
	C2254.955078,966.610229 2252.772461,968.457642 2250.710205,971.188965
	C2238.279541,969.779968 2228.811523,961.902832 2218.086182,957.234558
	C2207.120117,952.461426 2196.260742,947.443481 2184.385742,941.504089
z"/>
<path fill="#060D1F" opacity="1.000000" stroke="none"
	d="
M2819.523926,936.092529
	C2818.577148,936.943787 2816.572266,937.649963 2813.539062,938.019409
	C2814.495850,937.104187 2816.481201,936.525818 2819.523926,936.092529
z"/>
<path fill="#9BB8F0" opacity="1.000000" stroke="none"
	d="
M936.641113,2857.724609
	C938.368713,2836.209473 939.681580,2816.265625 942.886963,2796.630859
	C962.280701,2677.833252 1020.817444,2581.809326 1113.485474,2505.975098
	C1134.609985,2488.687988 1157.065430,2473.266357 1184.082764,2460.581055
	C1192.727051,2461.679688 1195.253784,2465.458252 1195.897705,2471.169434
	C1196.384277,2475.486816 1197.456177,2479.738281 1197.360352,2484.807617
	C1177.440918,2501.091553 1159.723511,2517.999268 1142.224609,2535.154053
	C1088.604492,2587.719482 1048.567627,2649.256104 1022.902405,2719.687988
	C999.214233,2784.694824 986.317322,2851.360352 994.906555,2921.229004
	C1000.001953,2962.676758 1010.450317,3002.312256 1029.729004,3039.164062
	C1089.059204,3152.576660 1180.658447,3226.392578 1304.325317,3259.891602
	C1318.353638,3263.691406 1332.911743,3265.536621 1347.781738,3268.915039
	C1348.339355,3269.541992 1349.859009,3270.218750 1349.859009,3270.218750
	C1349.859009,3270.218750 1351.486450,3269.876953 1353.074463,3270.456055
	C1360.271606,3271.421143 1365.880981,3271.806641 1371.980469,3272.761963
	C1372.470825,3273.331543 1373.844482,3273.891846 1373.844482,3273.891846
	C1373.844482,3273.891846 1375.188599,3273.266846 1376.908936,3273.922363
	C1390.631958,3275.219971 1402.634521,3275.862061 1415.303101,3277.102051
	C1415.969116,3277.700195 1417.664795,3278.200195 1417.664795,3278.200195
	C1417.664795,3278.200195 1419.343994,3277.651367 1421.184326,3278.194580
	C1447.538818,3278.878174 1472.054565,3279.200439 1496.566406,3279.011963
	C1501.729248,3278.972168 1506.877930,3277.058838 1513.500732,3276.203125
	C1517.923706,3276.488525 1520.879150,3276.579590 1524.040039,3278.086914
	C1527.009033,3287.661621 1533.167236,3294.724365 1532.179810,3304.092773
	C1532.179810,3304.092773 1532.376953,3304.208008 1531.403564,3304.100586
	C1528.958130,3304.183350 1528.011230,3304.989746 1527.589600,3306.413086
	C1525.902222,3306.877930 1524.214966,3307.342773 1520.082153,3307.657227
	C1515.697144,3308.529297 1513.757568,3309.551758 1511.817993,3310.573975
	C1461.698730,3323.461426 1410.665649,3327.596680 1359.314331,3323.091553
	C1252.244141,3313.697754 1158.925903,3272.538818 1080.430542,3198.642334
	C1077.522827,3195.905029 1074.677979,3193.101318 1070.580200,3189.623535
	C1065.081421,3183.900391 1060.898071,3178.800537 1056.517212,3173.875977
	C992.051941,3101.410400 953.947144,3016.792725 940.933289,2920.935303
	C938.177551,2900.636963 938.302917,2879.947754 936.641113,2857.724609
z"/>
<path fill="#516895" opacity="1.000000" stroke="none"
	d="
M1032.222534,3192.943115
	C1042.147583,3200.845947 1051.906372,3210.415039 1061.782715,3219.861084
	C1066.965088,3224.817627 1072.353394,3229.559326 1078.875977,3234.829102
	C1094.335938,3246.570068 1108.568359,3257.880615 1123.465820,3271.859375
	C1123.623047,3280.701660 1124.974365,3286.041748 1128.867676,3291.278809
	C1138.361816,3304.049072 1147.042236,3317.420898 1156.338989,3330.342773
	C1170.268799,3349.704346 1184.386475,3368.931885 1198.541748,3388.129883
	C1206.406982,3398.796875 1214.203125,3409.546143 1222.717529,3419.681152
	C1224.911499,3422.292725 1229.702026,3422.723389 1233.299561,3424.155762
	C1228.457764,3436.849854 1223.615967,3449.543945 1217.764648,3463.176270
	C1208.315552,3464.213867 1203.526123,3458.280518 1199.091064,3452.604736
	C1182.022095,3430.759521 1165.179932,3408.734863 1148.468994,3386.613770
	C1136.929810,3371.339355 1125.290405,3356.171631 1115.511719,3339.584717
	C1108.503906,3327.697754 1099.449951,3317.036621 1091.808350,3305.498047
	C1083.411987,3292.819824 1075.337891,3279.910889 1067.576294,3266.833496
	C1057.106323,3249.192627 1047.079834,3231.289062 1036.838989,3213.511719
	C1033.453003,3207.633789 1031.302734,3201.470703 1032.222534,3192.943115
z"/>
<path fill="#4C5467" opacity="1.000000" stroke="none"
	d="
M1283.777466,3383.947510
	C1288.562866,3373.334961 1293.105835,3362.602783 1298.254883,3352.169678
	C1300.273804,3348.079102 1303.848755,3344.953369 1310.481689,3346.332275
	C1312.878906,3357.045410 1319.076538,3363.626465 1324.469360,3369.968750
	C1338.616333,3386.605713 1353.756836,3402.398193 1368.520264,3418.510010
	C1371.660156,3421.936523 1375.291016,3424.991455 1377.997803,3428.723633
	C1396.464233,3454.186523 1419.963135,3474.991943 1442.918091,3495.913330
	C1462.422974,3513.689453 1482.303345,3531.208496 1502.331055,3548.483398
	C1509.012939,3554.246826 1515.531738,3559.597656 1524.866943,3559.680420
	C1525.996704,3566.396729 1523.576660,3571.102539 1517.299927,3574.064941
	C1508.362427,3578.282959 1499.562012,3582.791016 1489.312988,3586.043945
	C1487.980469,3580.580078 1485.679321,3578.004639 1482.465210,3575.094482
	C1459.407959,3554.218018 1436.423096,3533.246582 1413.931274,3511.764893
	C1395.692749,3494.345215 1377.907104,3476.428711 1360.408813,3458.262695
	C1342.508179,3439.679199 1325.176758,3420.546875 1307.661865,3401.593994
	C1304.977051,3398.688232 1302.000366,3395.773682 1300.288574,3392.305664
	C1296.744995,3385.125732 1290.863159,3383.593018 1283.777466,3383.947510
z"/>
<path fill="#3F485A" opacity="1.000000" stroke="none"
	d="
M1524.864014,3557.936523
	C1515.531738,3559.597656 1509.012939,3554.246826 1502.331055,3548.483398
	C1482.303345,3531.208496 1462.422974,3513.689453 1442.918091,3495.913330
	C1419.963135,3474.991943 1396.464233,3454.186523 1377.997803,3428.723633
	C1375.291016,3424.991455 1371.660156,3421.936523 1368.520264,3418.510010
	C1353.756836,3402.398193 1338.616333,3386.605713 1324.469360,3369.968750
	C1319.076538,3363.626465 1312.878906,3357.045410 1311.864746,3346.494141
	C1326.773804,3347.288818 1341.772217,3349.451660 1358.403809,3353.240723
	C1360.929199,3357.979980 1360.968628,3361.795410 1362.856812,3364.087891
	C1372.490845,3375.785889 1381.929565,3387.769531 1392.669556,3398.408691
	C1429.295776,3434.691650 1464.094360,3472.871826 1503.807129,3505.990479
	C1508.739014,3510.103271 1513.594727,3512.495605 1519.894165,3512.030518
	C1521.549805,3526.751221 1523.205322,3541.471680 1524.864014,3557.936523
z"/>
<path fill="#586174" opacity="1.000000" stroke="none"
	d="
M1283.030884,3385.097168
	C1290.863159,3383.593018 1296.744995,3385.125732 1300.288574,3392.305664
	C1302.000366,3395.773682 1304.977051,3398.688232 1307.661865,3401.593994
	C1325.176758,3420.546875 1342.508179,3439.679199 1360.408813,3458.262695
	C1377.907104,3476.428711 1395.692749,3494.345215 1413.931274,3511.764893
	C1436.423096,3533.246582 1459.407959,3554.218018 1482.465210,3575.094482
	C1485.679321,3578.004639 1487.980469,3580.580078 1487.937866,3586.335938
	C1478.134766,3592.645996 1468.316528,3597.532471 1457.167725,3601.235840
	C1456.042114,3591.467285 1449.385620,3587.382080 1444.053345,3582.621582
	C1440.629761,3579.565186 1435.904175,3577.854248 1432.814941,3574.554688
	C1411.945190,3552.261475 1387.952759,3533.308105 1366.256592,3511.949463
	C1350.719849,3496.654297 1336.640137,3479.883545 1321.820435,3463.854492
	C1313.296631,3454.635498 1303.666382,3446.545166 1296.865601,3435.614014
	C1293.104126,3429.568115 1286.848267,3425.074463 1281.717041,3419.880615
	C1278.101440,3416.220703 1273.513794,3415.917480 1268.776123,3416.130615
	C1273.278931,3406.169434 1277.781616,3396.208252 1283.030884,3385.097168
z"/>
<path fill="#677083" opacity="1.000000" stroke="none"
	d="
M1268.120728,3417.410645
	C1273.513794,3415.917480 1278.101440,3416.220703 1281.717041,3419.880615
	C1286.848267,3425.074463 1293.104126,3429.568115 1296.865601,3435.614014
	C1303.666382,3446.545166 1313.296631,3454.635498 1321.820435,3463.854492
	C1336.640137,3479.883545 1350.719849,3496.654297 1366.256592,3511.949463
	C1387.952759,3533.308105 1411.945190,3552.261475 1432.814941,3574.554688
	C1435.904175,3577.854248 1440.629761,3579.565186 1444.053345,3582.621582
	C1449.385620,3587.382080 1456.042114,3591.467285 1455.832031,3601.427734
	C1446.187988,3607.174072 1436.548828,3611.545654 1425.331055,3614.622314
	C1419.604858,3602.227539 1410.402466,3594.880859 1401.688110,3588.470459
	C1388.214111,3578.559570 1376.930298,3566.635742 1365.181763,3555.079834
	C1346.301270,3536.508545 1327.587402,3517.764648 1309.023438,3498.877197
	C1303.970825,3493.736084 1300.002686,3487.537842 1295.022705,3482.315186
	C1284.540283,3471.322510 1273.831665,3460.536377 1262.911743,3449.980225
	C1261.263428,3448.386963 1257.978394,3448.486572 1255.450439,3447.802979
	C1259.455444,3438.098877 1263.460327,3428.395020 1268.120728,3417.410645
z"/>
<path fill="#465A84" opacity="1.000000" stroke="none"
	d="
M1605.057373,3753.887695
	C1599.326416,3756.517822 1594.189209,3754.976318 1588.850342,3751.250244
	C1564.517334,3734.265381 1539.591431,3718.123047 1515.404785,3700.937256
	C1496.093140,3687.215820 1476.001221,3674.364258 1459.332397,3657.258301
	C1454.415039,3652.212402 1445.497070,3651.256836 1444.097534,3641.105469
	C1457.672119,3633.318115 1471.390259,3626.940918 1486.691895,3621.766357
	C1490.467773,3626.172607 1492.029297,3630.203613 1494.960571,3632.437988
	C1509.068848,3643.193848 1523.577271,3653.422852 1537.879517,3663.926270
	C1544.392456,3668.708984 1551.206299,3672.502197 1559.633301,3672.104004
	C1573.253784,3699.685303 1587.794067,3726.752197 1605.057373,3753.887695
z"/>
<path fill="#445881" opacity="1.000000" stroke="none"
	d="
M1234.254883,3423.231445
	C1229.702026,3422.723389 1224.911499,3422.292725 1222.717529,3419.681152
	C1214.203125,3409.546143 1206.406982,3398.796875 1198.541748,3388.129883
	C1184.386475,3368.931885 1170.268799,3349.704346 1156.338989,3330.342773
	C1147.042236,3317.420898 1138.361816,3304.049072 1128.867676,3291.278809
	C1124.974365,3286.041748 1123.623047,3280.701660 1124.247070,3272.927979
	C1151.439209,3285.743896 1178.515015,3300.159912 1206.811157,3316.759766
	C1208.804810,3329.608154 1216.330200,3336.552490 1222.350464,3344.161621
	C1232.115479,3356.505371 1242.404785,3368.434082 1252.472900,3380.537842
	C1246.718628,3394.460938 1240.964478,3408.384033 1234.254883,3423.231445
z"/>
<path fill="#313A4D" opacity="1.000000" stroke="none"
	d="
M1520.020996,3510.201660
	C1513.594727,3512.495605 1508.739014,3510.103271 1503.807129,3505.990479
	C1464.094360,3472.871826 1429.295776,3434.691650 1392.669556,3398.408691
	C1381.929565,3387.769531 1372.490845,3375.785889 1362.856812,3364.087891
	C1360.968628,3361.795410 1360.929199,3357.979980 1360.029419,3353.397217
	C1372.106567,3352.005127 1384.191284,3352.083008 1398.278809,3353.604492
	C1406.431274,3363.592285 1411.657349,3373.029297 1418.898071,3380.519043
	C1443.843750,3406.322021 1469.512329,3431.426270 1494.861938,3456.839844
	C1501.692627,3463.687500 1509.529297,3468.174072 1519.473999,3468.172363
	C1519.698608,3481.572510 1519.923218,3494.972656 1520.020996,3510.201660
z"/>
<path fill="#707B8E" opacity="1.000000" stroke="none"
	d="
M1254.496216,3448.785645
	C1257.978394,3448.486572 1261.263428,3448.386963 1262.911743,3449.980225
	C1273.831665,3460.536377 1284.540283,3471.322510 1295.022705,3482.315186
	C1300.002686,3487.537842 1303.970825,3493.736084 1309.023438,3498.877197
	C1327.587402,3517.764648 1346.301270,3536.508545 1365.181763,3555.079834
	C1376.930298,3566.635742 1388.214111,3578.559570 1401.688110,3588.470459
	C1410.402466,3594.880859 1419.604858,3602.227539 1423.894775,3614.715820
	C1415.621582,3619.923828 1407.206177,3623.743164 1397.236816,3626.311035
	C1390.566284,3612.940674 1380.321167,3604.768311 1370.632812,3597.385498
	C1354.670654,3585.221680 1341.231445,3570.693359 1326.990356,3556.887939
	C1317.463257,3547.652344 1306.910034,3539.037598 1299.280151,3528.380615
	C1286.766479,3510.902832 1270.213623,3497.561768 1255.939087,3481.946045
	C1252.693115,3478.395020 1248.884644,3475.924561 1243.847656,3475.968506
	C1247.079102,3467.235107 1250.310547,3458.501709 1254.496216,3448.785645
z"/>
<path fill="#808B9E" opacity="1.000000" stroke="none"
	d="
M1242.995850,3477.089844
	C1248.884644,3475.924561 1252.693115,3478.395020 1255.939087,3481.946045
	C1270.213623,3497.561768 1286.766479,3510.902832 1299.280151,3528.380615
	C1306.910034,3539.037598 1317.463257,3547.652344 1326.990356,3556.887939
	C1341.231445,3570.693359 1354.670654,3585.221680 1370.632812,3597.385498
	C1380.321167,3604.768311 1390.566284,3612.940674 1395.822266,3626.422363
	C1386.296753,3631.895264 1376.631836,3636.005371 1365.516846,3640.128906
	C1363.351318,3637.617188 1363.402100,3634.350586 1361.794189,3632.689941
	C1352.570190,3623.164062 1343.660400,3613.126465 1333.321411,3604.931396
	C1311.861938,3587.920898 1292.969849,3568.221680 1275.125488,3547.832764
	C1265.077881,3536.352783 1254.646606,3525.299316 1244.106201,3514.328369
	C1241.485229,3511.600098 1237.545776,3510.138428 1232.789917,3507.907715
	C1234.959595,3497.884277 1238.551758,3488.047852 1242.995850,3477.089844
z"/>
<path fill="#242D40" opacity="1.000000" stroke="none"
	d="
M1519.669678,3466.321289
	C1509.529297,3468.174072 1501.692627,3463.687500 1494.861938,3456.839844
	C1469.512329,3431.426270 1443.843750,3406.322021 1418.898071,3380.519043
	C1411.657349,3373.029297 1406.431274,3363.592285 1400.085938,3353.694824
	C1409.048706,3352.182373 1418.230469,3352.368164 1427.358032,3351.752686
	C1434.458374,3351.273926 1441.491577,3349.796631 1450.265381,3350.076172
	C1451.861328,3356.388184 1454.200562,3360.196045 1457.628296,3363.610107
	C1474.527588,3380.442139 1491.392212,3397.308838 1508.218628,3414.213867
	C1511.618042,3417.628418 1515.349854,3420.110352 1520.371582,3420.009277
	C1520.202759,3434.829590 1520.034058,3449.649902 1519.669678,3466.321289
z"/>
<path fill="#1B2435" opacity="1.000000" stroke="none"
	d="
M1521.435791,3418.851318
	C1515.349854,3420.110352 1511.618042,3417.628418 1508.218628,3414.213867
	C1491.392212,3397.308838 1474.527588,3380.442139 1457.628296,3363.610107
	C1454.200562,3360.196045 1451.861328,3356.388184 1451.898438,3349.992676
	C1470.240601,3347.485107 1488.432617,3344.746094 1506.521606,3341.157715
	C1510.379517,3340.392334 1514.398193,3340.079834 1518.334351,3340.137207
	C1528.263794,3340.281982 1532.777832,3345.254883 1531.740234,3355.334961
	C1530.731689,3365.133301 1529.177490,3374.879150 1527.716431,3384.626221
	C1526.062500,3395.661133 1524.245728,3406.672119 1521.435791,3418.851318
z"/>
<path fill="#7998D3" opacity="1.000000" stroke="none"
	d="
M1533.709717,3304.210449
	C1533.167236,3294.724365 1527.009033,3287.661621 1525.508301,3277.377441
	C1541.768188,3273.198730 1556.765015,3271.146240 1571.842773,3270.471191
	C1573.139893,3283.913574 1583.617798,3289.037109 1590.970947,3296.226807
	C1593.796631,3298.989502 1599.420776,3298.889648 1603.833496,3301.767090
	C1602.347656,3318.004395 1600.798096,3332.568848 1598.404297,3347.359375
	C1597.559937,3347.585693 1595.868652,3348.028564 1595.868652,3348.028564
	C1590.739990,3348.208984 1586.146118,3347.224609 1581.763672,3344.029541
	C1578.929199,3341.963135 1574.995728,3341.404541 1570.099609,3340.149658
	C1570.155518,3333.791748 1571.189819,3327.289795 1573.300903,3321.158691
	C1575.832520,3313.806152 1576.820923,3307.100586 1570.549683,3301.146729
	C1564.918213,3295.800537 1558.786377,3296.741211 1552.208008,3299.206299
	C1546.687134,3301.274658 1540.905518,3302.647461 1533.709717,3304.210449
z"/>
<path fill="#394B70" opacity="1.000000" stroke="none"
	d="
M1559.356445,3670.671875
	C1551.206299,3672.502197 1544.392456,3668.708984 1537.879517,3663.926270
	C1523.577271,3653.422852 1509.068848,3643.193848 1494.960571,3632.437988
	C1492.029297,3630.203613 1490.467773,3626.172607 1488.117554,3621.600342
	C1501.747070,3612.499512 1515.799194,3605.352295 1531.940796,3599.591553
	C1534.470093,3603.727539 1537.459717,3607.204590 1538.914917,3611.235596
	C1545.864746,3630.487793 1552.398071,3649.890625 1559.356445,3670.671875
z"/>
<path fill="#36476D" opacity="1.000000" stroke="none"
	d="
M1253.511475,3379.601562
	C1242.404785,3368.434082 1232.115479,3356.505371 1222.350464,3344.161621
	C1216.330200,3336.552490 1208.804810,3329.608154 1208.015747,3317.470703
	C1227.276001,3322.325684 1246.568726,3328.604004 1265.799683,3335.066162
	C1267.527466,3335.646484 1268.856079,3337.415771 1270.997559,3339.137207
	C1267.249756,3352.967773 1261.223145,3365.943604 1253.511475,3379.601562
z"/>
<path fill="#8590A2" opacity="1.000000" stroke="none"
	d="
M1512.921631,3310.788330
	C1513.757568,3309.551758 1515.697144,3308.529297 1518.767822,3307.729492
	C1517.941040,3308.968750 1515.983276,3309.985596 1512.921631,3310.788330
z"/>
<path fill="#6C7D9E" opacity="1.000000" stroke="none"
	d="
M1528.539795,3306.638428
	C1528.011230,3304.989746 1528.958130,3304.183350 1531.385742,3304.213623
	C1531.868164,3305.803955 1530.917847,3306.613770 1528.539795,3306.638428
z"/>
<path fill="#536A99" opacity="1.000000" stroke="none"
	d="
M912.989807,2796.242188
	C912.431641,2808.267822 911.873535,2820.293213 911.442322,2834.122559
	C910.698608,2839.034180 909.014526,2842.162354 909.091431,2845.246826
	C909.536011,2863.061523 910.354431,2880.868164 911.136047,2898.673096
	C911.455017,2905.938965 911.999512,2913.195312 912.252930,2922.222656
	C909.708557,2922.957031 906.367920,2922.570557 905.185669,2920.768066
	C901.932129,2915.808350 898.485352,2910.533936 897.052368,2904.891846
	C886.963867,2865.167725 877.293030,2825.337158 867.647827,2785.501953
	C864.537964,2772.658447 861.673523,2759.744873 859.109924,2746.781982
	C855.272522,2727.378662 851.598328,2707.937744 848.233582,2688.447510
	C845.317139,2671.554443 841.850830,2654.651367 840.567932,2637.606689
	C838.831238,2614.533691 833.807434,2591.652100 835.752563,2566.532227
	C846.967041,2569.394043 858.274536,2574.048584 870.779785,2581.216309
	C873.618103,2601.440674 874.850220,2619.202637 877.030823,2636.846924
	C878.721863,2650.530029 881.579041,2664.069824 883.954895,2677.666748
	C885.200439,2684.795410 887.218872,2691.864014 887.693359,2699.038818
	C889.619995,2728.173340 897.824463,2756.054932 903.890747,2784.373779
	C905.123108,2790.126953 907.474670,2794.181152 912.989807,2796.242188
z"/>
<path fill="#1B2435" opacity="1.000000" stroke="none"
	d="
M945.173950,3123.207031
	C931.884583,3109.430908 927.338684,3091.007080 919.469971,3074.285400
	C912.151794,3058.733887 906.204834,3042.508301 900.243225,3026.361816
	C897.989624,3020.258301 897.385742,3013.545654 896.073608,3005.489258
	C898.774414,3003.897705 901.443115,3003.776123 904.086548,3003.981201
	C924.632446,3005.572754 933.815796,3011.417969 938.526917,3030.509033
	C941.783203,3043.704590 947.400085,3055.502930 953.731262,3067.031006
	C961.474731,3081.130615 962.394287,3094.529053 953.904358,3108.411865
	C951.141296,3112.929688 948.819397,3117.717773 945.173950,3123.207031
z"/>
<path fill="#0A2A6A" opacity="1.000000" stroke="none"
	d="
M935.992004,2572.734131
	C919.606079,2570.622070 905.349915,2562.283936 890.061157,2556.967285
	C884.552612,2555.051758 879.228027,2552.607178 872.898254,2549.354492
	C871.984680,2480.723633 872.043762,2413.142578 871.917725,2345.561768
	C871.905579,2339.047119 870.744263,2332.534424 868.880188,2324.819824
	C874.072754,2320.505371 880.351624,2317.020264 886.960754,2314.354004
	C902.212646,2308.200928 917.624756,2302.444824 934.470276,2298.222900
	C935.975525,2312.577393 936.099487,2325.238281 935.933533,2337.895508
	C935.864075,2343.188721 935.317871,2348.489258 934.740112,2353.759277
	C933.949158,2360.973389 932.168884,2368.156494 932.120605,2375.361572
	C931.857300,2414.670654 931.956909,2453.982666 932.040222,2493.293457
	C932.051453,2498.593750 931.561646,2504.284912 933.258728,2509.106934
	C936.248596,2517.601562 935.928406,2526.134521 935.973083,2534.755859
	C936.038635,2547.415039 935.991272,2560.074707 935.992004,2572.734131
z"/>
<path fill="#081F52" opacity="1.000000" stroke="none"
	d="
M936.899902,2573.767334
	C935.991272,2560.074707 936.038635,2547.415039 935.973083,2534.755859
	C935.928406,2526.134521 936.248596,2517.601562 933.258728,2509.106934
	C931.561646,2504.284912 932.051453,2498.593750 932.040222,2493.293457
	C931.956909,2453.982666 931.857300,2414.670654 932.120605,2375.361572
	C932.168884,2368.156494 933.949158,2360.973389 934.740112,2353.759277
	C935.317871,2348.489258 935.864075,2343.188721 935.933533,2337.895508
	C936.099487,2325.238281 935.975525,2312.577393 935.945251,2298.075684
	C953.178711,2289.644775 970.435547,2283.056641 986.844360,2276.791992
	C995.000000,2278.835205 998.580139,2284.600098 1002.707275,2292.342285
	C1000.021606,2311.936279 995.795776,2328.590820 995.953613,2345.867188
	C996.105286,2362.468994 998.257202,2379.515625 995.250854,2395.565430
	C991.522888,2415.467529 992.551514,2435.146240 992.095398,2454.944824
	C991.974731,2460.183594 992.986938,2465.454102 993.552979,2470.702148
	C994.329407,2477.901123 996.223938,2485.154053 995.805481,2492.276367
	C994.281250,2518.218506 998.610535,2543.751221 1000.411499,2569.451904
	C1000.571350,2571.733154 1002.878052,2573.864014 1004.187683,2576.064697
	C999.327515,2581.393066 994.467285,2586.721191 989.401917,2592.274414
	C971.112244,2587.560791 954.071777,2582.387207 936.899902,2573.767334
z"/>
<path fill="#051841" opacity="1.000000" stroke="none"
	d="
M1005.364441,2575.435791
	C1002.878052,2573.864014 1000.571350,2571.733154 1000.411499,2569.451904
	C998.610535,2543.751221 994.281250,2518.218506 995.805481,2492.276367
	C996.223938,2485.154053 994.329407,2477.901123 993.552979,2470.702148
	C992.986938,2465.454102 991.974731,2460.183594 992.095398,2454.944824
	C992.551514,2435.146240 991.522888,2415.467529 995.250854,2395.565430
	C998.257202,2379.515625 996.105286,2362.468994 995.953613,2345.867188
	C995.795776,2328.590820 1000.021606,2311.936279 1003.269836,2293.577148
	C1021.623901,2313.126221 1039.036621,2334.426514 1059.372559,2356.555176
	C1058.665039,2367.197266 1056.090942,2374.970459 1056.266724,2382.680908
	C1056.986084,2414.261475 1053.190063,2445.955811 1058.395386,2477.434570
	C1058.704834,2479.306152 1058.766602,2481.548584 1058.026733,2483.209961
	C1053.547363,2493.268555 1057.657837,2502.591797 1060.121826,2512.075684
	C1058.132080,2514.668945 1056.469727,2517.618164 1054.100464,2519.799072
	C1036.142212,2536.328125 1021.619568,2555.803467 1005.364441,2575.435791
z"/>
<path fill="#051029" opacity="1.000000" stroke="none"
	d="
M1061.317627,2511.478027
	C1057.657837,2502.591797 1053.547363,2493.268555 1058.026733,2483.209961
	C1058.766602,2481.548584 1058.704834,2479.306152 1058.395386,2477.434570
	C1053.190063,2445.955811 1056.986084,2414.261475 1056.266724,2382.680908
	C1056.090942,2374.970459 1058.665039,2367.197266 1059.973389,2357.739746
	C1061.127686,2356.658691 1062.493774,2357.072510 1063.407837,2357.954834
	C1086.227783,2379.981201 1111.084229,2399.404541 1137.437012,2417.039795
	C1142.121338,2420.174561 1145.868774,2425.322510 1148.836426,2430.268555
	C1153.561157,2438.143066 1152.530762,2441.926758 1145.441040,2447.139404
	C1130.590698,2458.058594 1115.611694,2468.802246 1100.704590,2479.644043
	C1097.515503,2481.963623 1094.314453,2484.282959 1091.280273,2486.796631
	C1081.650391,2494.775146 1072.096680,2502.845459 1061.317627,2511.478027
z"/>
<path fill="#475C86" opacity="1.000000" stroke="none"
	d="
M913.860657,2795.008301
	C907.474670,2794.181152 905.123108,2790.126953 903.890747,2784.373779
	C897.824463,2756.054932 889.619995,2728.173340 887.693359,2699.038818
	C887.218872,2691.864014 885.200439,2684.795410 883.954895,2677.666748
	C881.579041,2664.069824 878.721863,2650.530029 877.030823,2636.846924
	C874.850220,2619.202637 873.618103,2601.440674 871.963745,2581.971191
	C885.648376,2585.461182 899.346802,2590.709473 914.476318,2598.210449
	C916.371765,2607.680664 916.647888,2614.916748 917.355957,2622.110107
	C917.995667,2628.608887 919.134521,2635.057373 920.005554,2641.534668
	C921.838684,2655.165771 923.537659,2668.816162 925.520325,2682.425293
	C926.085510,2686.304443 927.547241,2690.044922 928.401489,2693.892334
	C929.477417,2698.738770 933.195984,2699.644043 937.250732,2700.180664
	C933.905823,2712.175049 930.161621,2724.075195 927.307922,2736.185303
	C922.801697,2755.307617 918.893005,2774.571045 913.860657,2795.008301
z"/>
<path fill="#475C86" opacity="1.000000" stroke="none"
	d="
M881.221619,2286.812012
	C880.633179,2280.433838 881.382446,2273.868164 882.262451,2267.320312
	C882.702515,2264.045166 883.853638,2260.805176 883.874634,2257.544189
	C884.003052,2237.565430 888.996704,2218.207275 891.131287,2198.548828
	C893.998169,2172.145996 900.724304,2146.518311 904.231750,2120.292725
	C905.350769,2111.925781 906.671143,2103.084717 915.382263,2096.422852
	C917.799744,2098.132324 919.278870,2100.394287 919.793152,2102.857910
	C924.767456,2126.689453 931.516052,2150.011475 938.215942,2174.785156
	C935.346558,2178.527100 932.841492,2180.275146 932.433228,2182.421875
	C929.398071,2198.383789 926.428772,2214.375244 924.136963,2230.456787
	C922.211060,2243.970459 918.457642,2257.333496 919.841309,2271.208008
	C907.431946,2276.349121 895.022583,2281.490479 881.221619,2286.812012
z"/>
<path fill="#3D4F76" opacity="1.000000" stroke="none"
	d="
M938.183105,2699.210938
	C933.195984,2699.644043 929.477417,2698.738770 928.401489,2693.892334
	C927.547241,2690.044922 926.085510,2686.304443 925.520325,2682.425293
	C923.537659,2668.816162 921.838684,2655.165771 920.005554,2641.534668
	C919.134521,2635.057373 917.995667,2628.608887 917.355957,2622.110107
	C916.647888,2614.916748 916.371765,2607.680664 915.846802,2598.786133
	C934.266968,2603.726074 952.989746,2609.738037 971.883423,2618.915527
	C971.176453,2623.461182 971.352539,2628.123535 969.674438,2631.979004
	C965.478027,2641.619873 960.205444,2650.786133 955.798523,2660.343018
	C950.019653,2672.875244 944.657104,2685.599365 938.183105,2699.210938
z"/>
<path fill="#3D4F76" opacity="1.000000" stroke="none"
	d="
M921.261658,2270.982910
	C918.457642,2257.333496 922.211060,2243.970459 924.136963,2230.456787
	C926.428772,2214.375244 929.398071,2198.383789 932.433228,2182.421875
	C932.841492,2180.275146 935.346558,2178.527100 938.351929,2176.288086
	C950.007019,2197.456543 960.285034,2218.887451 970.325806,2240.428711
	C974.046570,2248.411377 972.351929,2252.029785 963.488953,2255.461182
	C949.943115,2260.706055 936.289734,2265.673340 921.261658,2270.982910
z"/>
<path fill="#7897D1" opacity="1.000000" stroke="none"
	d="
M1198.267700,2484.019043
	C1197.456177,2479.738281 1196.384277,2475.486816 1195.897705,2471.169434
	C1195.253784,2465.458252 1192.727051,2461.679688 1185.454590,2460.308105
	C1189.969971,2456.300537 1195.806152,2452.430420 1201.836548,2448.891357
	C1206.429443,2446.195557 1210.528442,2443.143311 1211.656006,2437.648193
	C1212.959351,2431.295166 1210.129150,2426.406982 1204.875977,2419.688965
	C1205.575684,2412.110840 1206.673950,2407.135010 1208.257935,2402.318848
	C1209.008545,2400.037598 1210.687622,2398.061768 1212.967773,2395.922852
	C1214.669922,2395.868652 1215.350098,2395.838379 1217.000977,2396.719238
	C1226.509644,2404.100830 1235.047607,2410.571533 1243.679443,2418.745117
	C1243.780151,2430.862549 1243.786865,2441.277588 1242.966309,2452.729248
	C1229.256226,2463.584229 1216.373291,2473.402344 1202.188599,2483.445312
	C1200.013794,2483.786621 1199.140747,2483.902832 1198.267700,2484.019043
z"/>
<path fill="#83A4E3" opacity="1.000000" stroke="none"
	d="
M1211.945801,2395.947266
	C1210.687622,2398.061768 1209.008545,2400.037598 1208.257935,2402.318848
	C1206.673950,2407.135010 1205.575684,2412.110840 1204.125244,2418.475586
	C1196.344482,2416.204346 1188.716431,2412.478760 1180.250000,2407.867188
	C1183.629272,2398.159424 1184.487671,2388.774658 1185.468750,2377.667480
	C1195.224121,2382.754639 1203.584961,2389.351074 1211.945801,2395.947266
z"/>
<path fill="#0A2A6A" opacity="1.000000" stroke="none"
	d="
M4006.812500,2323.439941
	C4003.009766,2342.320801 4001.901855,2360.520508 4006.873779,2379.010498
	C4008.222900,2384.026611 4007.936279,2389.551758 4007.956055,2394.844971
	C4008.052979,2420.779297 4008.065918,2446.714600 4007.967773,2472.648926
	C4007.927734,2483.224121 4007.212646,2493.592529 4005.208740,2504.195312
	C4002.777100,2517.062500 4004.251221,2530.667725 4004.056152,2545.760498
	C3990.472412,2553.077148 3976.867920,2558.587158 3960.548340,2563.012695
	C3954.647217,2548.815430 3955.606201,2535.626465 3957.141113,2522.433838
	C3958.054932,2514.579590 3959.822021,2506.738770 3959.870850,2498.883545
	C3960.141113,2455.630127 3960.006348,2412.374268 3959.990967,2369.119141
	C3959.989258,2364.462646 3960.969727,2359.447266 3959.598145,2355.212646
	C3954.111572,2338.272949 3956.610840,2320.934814 3956.020264,2303.754150
	C3962.909912,2305.349854 3969.799805,2306.945557 3978.184814,2308.836914
	C3982.875977,2311.323486 3985.884521,2313.884277 3989.311035,2315.620117
	C3994.591553,2318.296143 4000.158691,2320.406250 4006.812500,2323.439941
z"/>
<path fill="#536A99" opacity="1.000000" stroke="none"
	d="
M3960.444092,2067.923584
	C3960.701172,2061.319336 3960.459961,2054.651123 3961.301025,2048.122070
	C3964.956055,2019.744019 3964.378418,1991.408936 3961.507812,1961.425293
	C3969.263428,1959.226196 3972.765137,1963.871216 3974.661865,1969.979858
	C3977.802246,1980.092651 3980.727539,1990.279785 3983.445557,2000.514648
	C3989.895508,2024.800659 3996.697021,2049.011230 4002.363037,2073.482178
	C4007.573730,2095.987061 4011.721191,2118.748779 4015.904297,2141.477051
	C4020.083984,2164.186279 4024.160156,2186.931641 4027.454590,2209.780518
	C4029.715088,2225.457520 4029.850342,2241.447266 4032.249756,2257.095947
	C4034.464600,2271.541016 4036.964111,2285.850830 4035.949219,2302.354492
	C4026.151123,2300.355957 4016.382812,2296.528076 4005.344238,2290.197266
	C4003.809082,2277.099854 4004.282227,2266.422607 4003.107178,2255.929688
	C4001.354492,2240.274414 3998.401611,2224.754883 3996.029785,2209.166748
	C3993.559814,2192.932373 3990.464844,2176.750977 3988.945557,2160.425293
	C3987.346924,2143.247314 3980.218506,2127.330322 3979.263184,2109.936035
	C3978.659424,2098.942383 3974.455811,2088.140625 3971.807129,2077.267334
	C3970.366943,2071.356934 3966.383545,2068.421875 3960.444092,2067.923584
z"/>
<path fill="#475C86" opacity="1.000000" stroke="none"
	d="
M3960.009277,2069.491211
	C3966.383545,2068.421875 3970.366943,2071.356934 3971.807129,2077.267334
	C3974.455811,2088.140625 3978.659424,2098.942383 3979.263184,2109.936035
	C3980.218506,2127.330322 3987.346924,2143.247314 3988.945557,2160.425293
	C3990.464844,2176.750977 3993.559814,2192.932373 3996.029785,2209.166748
	C3998.401611,2224.754883 4001.354492,2240.274414 4003.107178,2255.929688
	C4004.282227,2266.422607 4003.809082,2277.099854 4004.118652,2289.458008
	C3998.309082,2289.195068 3992.454102,2287.168213 3985.286865,2284.921387
	C3979.208740,2282.521973 3974.442871,2280.342773 3968.802490,2275.493164
	C3967.870361,2269.514648 3968.188477,2266.148438 3967.690186,2262.907959
	C3965.298096,2247.348389 3962.533447,2231.845215 3960.202148,2216.276855
	C3958.549316,2205.240234 3957.537109,2194.108643 3955.938965,2183.062744
	C3954.623779,2173.971191 3953.426270,2164.791016 3951.011963,2155.968750
	C3950.134766,2152.762939 3945.888428,2150.479248 3943.179199,2147.774902
	C3945.068359,2138.342041 3946.957520,2128.909180 3949.000977,2117.873535
	C3951.294434,2108.862793 3953.754639,2101.528564 3955.482178,2094.025879
	C3957.225098,2086.457275 3958.240479,2078.721436 3960.009277,2069.491211
z"/>
<path fill="#071C4A" opacity="1.000000" stroke="none"
	d="
M3851.699951,2315.922852
	C3852.176514,2314.019775 3852.115234,2311.700439 3853.214111,2310.279053
	C3861.968506,2298.958008 3870.942627,2287.806885 3880.654053,2275.591064
	C3890.502197,2278.923584 3900.346924,2282.255127 3910.486328,2288.200684
	C3905.885986,2307.735352 3907.745605,2324.861816 3909.318115,2341.959229
	C3910.040771,2349.814209 3911.833252,2357.634277 3911.877930,2365.477295
	C3912.131592,2409.944824 3912.106445,2454.415039 3911.945068,2498.883301
	C3911.892578,2513.386475 3913.539062,2528.023193 3908.524658,2542.250000
	C3907.265137,2545.823975 3908.042725,2550.143555 3908.022705,2554.121338
	C3907.972900,2564.076904 3908.002441,2574.032715 3908.000000,2583.988525
	C3899.842285,2590.069824 3890.868896,2593.107422 3879.223145,2591.249023
	C3870.925049,2580.783936 3862.050537,2569.591797 3852.810791,2555.522949
	C3855.166016,2545.756348 3856.276123,2538.681885 3856.088623,2531.210693
	C3855.754639,2517.901855 3855.921631,2504.577637 3856.038086,2491.261230
	C3856.084473,2485.952148 3855.702881,2480.432617 3856.974609,2475.375732
	C3863.098877,2451.023438 3858.870117,2426.387939 3859.594971,2401.901123
	C3854.367188,2388.431885 3856.260986,2374.337158 3856.035156,2360.444824
	C3855.850830,2349.127686 3855.966553,2337.805908 3855.969727,2326.486084
	C3855.970703,2322.377686 3855.445312,2318.505859 3851.699951,2315.922852
z"/>
<path fill="#0A255B" opacity="1.000000" stroke="none"
	d="
M3909.494629,2583.823242
	C3908.002441,2574.032715 3907.972900,2564.076904 3908.022705,2554.121338
	C3908.042725,2550.143555 3907.265137,2545.823975 3908.524658,2542.250000
	C3913.539062,2528.023193 3911.892578,2513.386475 3911.945068,2498.883301
	C3912.106445,2454.415039 3912.131592,2409.944824 3911.877930,2365.477295
	C3911.833252,2357.634277 3910.040771,2349.814209 3909.318115,2341.959229
	C3907.745605,2324.861816 3905.885986,2307.735352 3911.453125,2289.251465
	C3926.588623,2290.979980 3940.556641,2295.763184 3955.090088,2302.699707
	C3956.610840,2320.934814 3954.111572,2338.272949 3959.598145,2355.212646
	C3960.969727,2359.447266 3959.989258,2364.462646 3959.990967,2369.119141
	C3960.006348,2412.374268 3960.141113,2455.630127 3959.870850,2498.883545
	C3959.822021,2506.738770 3958.054932,2514.579590 3957.141113,2522.433838
	C3955.606201,2535.626465 3954.647217,2548.815430 3959.044922,2563.102539
	C3944.859863,2573.344727 3927.700928,2577.933105 3909.494629,2583.823242
z"/>
<path fill="#081636" opacity="1.000000" stroke="none"
	d="
M3850.532227,2316.527832
	C3855.445312,2318.505859 3855.970703,2322.377686 3855.969727,2326.486084
	C3855.966553,2337.805908 3855.850830,2349.127686 3856.035156,2360.444824
	C3856.260986,2374.337158 3854.367188,2388.431885 3859.594971,2401.901123
	C3858.870117,2426.387939 3863.098877,2451.023438 3856.974609,2475.375732
	C3855.702881,2480.432617 3856.084473,2485.952148 3856.038086,2491.261230
	C3855.921631,2504.577637 3855.754639,2517.901855 3856.088623,2531.210693
	C3856.276123,2538.681885 3855.166016,2545.756348 3852.235352,2554.302734
	C3840.242432,2543.532471 3828.498047,2531.068604 3816.663574,2518.691162
	C3808.871338,2510.541504 3800.948975,2502.515869 3793.693848,2492.082764
	C3794.868896,2483.270996 3795.889648,2476.813965 3795.923340,2470.351318
	C3796.092773,2437.573730 3796.006592,2404.794678 3796.009766,2372.016113
	C3798.759766,2369.292725 3801.449951,2366.505859 3804.272217,2363.859619
	C3810.019775,2358.469971 3817.057373,2353.982178 3821.362549,2347.631104
	C3829.261963,2335.977539 3839.436279,2326.741699 3850.532227,2316.527832
z"/>
<path fill="#475C86" opacity="1.000000" stroke="none"
	d="
M4002.233398,2579.537598
	C4005.465332,2605.281494 4001.591553,2630.614258 3996.926270,2656.006592
	C3994.678711,2668.239746 3995.264404,2680.879150 3992.305420,2693.246826
	C3988.640137,2708.565674 3986.830811,2724.321045 3983.961426,2739.840088
	C3981.448486,2753.430420 3978.734375,2766.988770 3975.793213,2780.492676
	C3974.532959,2786.278076 3972.993164,2792.126465 3970.552979,2797.477783
	C3969.364746,2800.083496 3965.816650,2801.613281 3961.901855,2803.854004
	C3954.700195,2777.263428 3948.933350,2750.448730 3944.314941,2721.217773
	C3947.523193,2714.697021 3950.331299,2710.789795 3951.477783,2706.443848
	C3953.493652,2698.802734 3954.329346,2690.858887 3955.956055,2683.104248
	C3958.680420,2670.114502 3959.691406,2656.961670 3960.923340,2643.771240
	C3962.515137,2626.729004 3965.682373,2609.833984 3968.171387,2592.875488
	C3979.038818,2588.483154 3989.905762,2584.090820 4002.233398,2579.537598
z"/>
<path fill="#051029" opacity="1.000000" stroke="none"
	d="
M3794.795898,2372.589355
	C3796.006592,2404.794678 3796.092773,2437.573730 3795.923340,2470.351318
	C3795.889648,2476.813965 3794.868896,2483.270996 3793.084961,2490.896973
	C3788.843750,2490.881104 3785.112305,2490.455078 3782.911865,2488.394287
	C3767.841064,2474.280762 3750.612793,2463.128174 3733.614502,2451.644287
	C3730.321533,2449.419434 3726.770020,2447.541260 3723.649170,2445.104248
	C3713.571533,2437.234863 3714.133057,2430.314697 3724.946777,2423.643799
	C3741.840820,2413.222656 3758.225342,2402.098145 3773.242676,2389.014648
	C3779.714111,2383.376709 3786.783936,2378.426025 3794.795898,2372.589355
z"/>
<path fill="#3D4F76" opacity="1.000000" stroke="none"
	d="
M3942.233398,2148.817139
	C3945.888428,2150.479248 3950.134766,2152.762939 3951.011963,2155.968750
	C3953.426270,2164.791016 3954.623779,2173.971191 3955.938965,2183.062744
	C3957.537109,2194.108643 3958.549316,2205.240234 3960.202148,2216.276855
	C3962.533447,2231.845215 3965.298096,2247.348389 3967.690186,2262.907959
	C3968.188477,2266.148438 3967.870361,2269.514648 3967.885254,2274.577148
	C3955.332520,2272.108154 3942.816406,2267.902832 3930.314941,2263.654053
	C3920.925049,2260.463379 3911.519043,2257.312012 3902.205078,2253.911621
	C3900.457031,2253.273438 3899.107910,2251.542969 3897.464355,2250.228516
	C3902.295898,2231.277588 3915.279785,2217.097412 3922.053223,2199.958008
	C3928.627197,2183.322510 3934.888672,2166.563721 3942.233398,2148.817139
z"/>
<path fill="#3D4F76" opacity="1.000000" stroke="none"
	d="
M3966.751465,2593.091553
	C3965.682373,2609.833984 3962.515137,2626.729004 3960.923340,2643.771240
	C3959.691406,2656.961670 3958.680420,2670.114502 3955.956055,2683.104248
	C3954.329346,2690.858887 3953.493652,2698.802734 3951.477783,2706.443848
	C3950.331299,2710.789795 3947.523193,2714.697021 3944.085938,2719.607910
	C3936.854492,2707.088379 3930.028809,2694.090576 3925.396729,2680.353271
	C3919.821533,2663.819580 3911.915039,2648.519531 3904.272949,2633.000244
	C3902.321777,2629.037598 3901.445557,2624.545898 3899.835449,2619.553223
	C3921.434326,2608.214600 3943.996094,2602.237793 3966.751465,2593.091553
z"/>
<path fill="#7897D1" opacity="1.000000" stroke="none"
	d="
M3680.277344,2380.667480
	C3681.578369,2390.670654 3682.879639,2400.674072 3684.197754,2412.464111
	C3680.301025,2416.694824 3676.279541,2418.983154 3672.495850,2421.613525
	C3663.715332,2427.718018 3663.078857,2430.843018 3667.510254,2446.469971
	C3662.412842,2457.653320 3664.488281,2466.892334 3662.803711,2475.441895
	C3652.874023,2467.640381 3644.221436,2460.210938 3635.716553,2451.033691
	C3637.341797,2438.799316 3634.587646,2428.930664 3632.284424,2418.072998
	C3648.830322,2404.908936 3664.553711,2392.788086 3680.277344,2380.667480
z"/>
<path fill="#83A4E3" opacity="1.000000" stroke="none"
	d="
M3664.081299,2475.814209
	C3664.488281,2466.892334 3662.412842,2457.653320 3668.045166,2447.720947
	C3678.478027,2451.375732 3688.332764,2456.635498 3698.959473,2463.005371
	C3695.382080,2464.824707 3692.252441,2466.834717 3692.181641,2471.705811
	C3692.085449,2478.334961 3692.137207,2484.966553 3691.102539,2493.466309
	C3689.402832,2495.583252 3688.726074,2495.830811 3686.848145,2495.510742
	C3678.458252,2488.567139 3671.269775,2482.190674 3664.081299,2475.814209
z"/>
<path fill="#174BAC" opacity="1.000000" stroke="none"
	d="
M3396.072266,1591.675903
	C3411.054688,1586.737793 3426.386230,1589.226318 3441.599609,1589.659790
	C3447.569092,1589.829712 3453.506348,1591.008423 3459.477539,1591.251343
	C3538.083740,1594.449951 3611.717041,1615.446411 3679.930176,1654.399536
	C3753.529297,1696.428223 3810.749268,1754.473145 3847.591309,1831.446045
	C3864.953857,1867.721069 3876.410156,1905.847656 3880.529541,1945.964233
	C3882.090332,1961.161133 3883.613037,1976.423828 3883.888672,1991.679443
	C3884.913330,2048.363037 3873.157471,2102.697266 3852.317627,2155.195068
	C3824.135254,2226.189209 3782.155273,2288.027100 3727.517090,2341.225586
	C3714.691162,2353.713379 3700.511963,2364.811279 3685.510010,2374.905518
	C3684.074463,2370.060059 3684.084229,2366.857910 3684.632324,2362.528320
	C3690.113281,2355.650635 3695.056396,2349.900391 3701.188232,2343.539062
	C3724.775391,2321.193115 3747.663818,2300.030273 3766.998779,2275.248535
	C3787.936768,2248.411865 3805.495850,2219.495117 3820.754395,2189.342773
	C3834.520508,2162.139404 3845.688477,2133.592773 3853.863037,2104.090576
	C3862.548584,2072.743408 3869.694580,2041.136353 3868.190186,2008.198364
	C3867.644287,1996.244629 3868.142822,1984.245361 3868.055908,1972.267822
	C3867.959717,1959.014038 3866.854980,1946.004028 3864.587891,1932.772461
	C3856.389404,1884.926880 3837.697998,1841.305054 3813.326416,1799.973755
	C3791.586426,1763.105347 3762.664551,1731.925537 3730.025879,1704.618042
	C3699.297607,1678.909424 3664.131836,1659.876831 3627.237549,1644.466919
	C3594.788574,1630.913818 3561.469482,1619.718506 3526.699463,1613.538574
	C3499.341797,1608.676270 3471.978027,1603.775269 3444.022705,1603.988037
	C3429.383301,1604.099487 3414.742920,1604.064941 3399.049805,1604.031006
	C3397.294678,1603.914917 3396.593018,1603.864380 3395.928711,1602.298096
	C3396.001709,1597.746948 3396.037109,1594.711426 3396.072266,1591.675903
z"/>
<path fill="#0D3585" opacity="1.000000" stroke="none"
	d="
M3684.094238,2363.655518
	C3684.084229,2366.857910 3684.074463,2370.060059 3684.100586,2374.867676
	C3682.765137,2376.808105 3681.718994,2377.582764 3680.637695,2379.731934
	C3664.553711,2392.788086 3648.830322,2404.908936 3630.924316,2418.407715
	C3621.078857,2423.930664 3612.221436,2426.709961 3608.270508,2436.451172
	C3617.535645,2443.083008 3625.282715,2449.968994 3635.568848,2452.781738
	C3644.221436,2460.210938 3652.874023,2467.640381 3662.803711,2475.441895
	C3671.269775,2482.190674 3678.458252,2488.567139 3686.659424,2496.785156
	C3686.792725,2502.809814 3683.571289,2503.677979 3678.831787,2503.462402
	C3671.785400,2499.142822 3665.905518,2495.409668 3659.423828,2490.502930
	C3652.207764,2479.964600 3641.248047,2477.294922 3631.235840,2470.850586
	C3622.425293,2465.527588 3616.441162,2457.219482 3606.318848,2457.362549
	C3600.122559,2465.266602 3600.322998,2465.282471 3600.005371,2469.244385
	C3599.372314,2477.138672 3598.489990,2485.013184 3597.684326,2492.893066
	C3597.146973,2498.150879 3596.161377,2503.397705 3596.074951,2508.660889
	C3595.770020,2527.198486 3597.158203,2545.842529 3590.777100,2563.437500
	C3586.298340,2559.832764 3582.922852,2556.895264 3579.753174,2553.750244
	C3576.476807,2550.499512 3572.956787,2547.934570 3568.047852,2547.022461
	C3567.997803,2546.083252 3567.812988,2544.211426 3567.876953,2542.326416
	C3569.286133,2521.327148 3564.907715,2501.863770 3571.441895,2483.066162
	C3571.350342,2452.503662 3571.259033,2421.940918 3571.167480,2391.378418
	C3566.982666,2382.581299 3568.063477,2373.166016 3568.010742,2363.902588
	C3567.934814,2350.602051 3567.996826,2337.300781 3569.190430,2323.409912
	C3576.121094,2317.326172 3581.909668,2311.881348 3587.584473,2306.320801
	C3590.952637,2303.020264 3594.331299,2299.890869 3600.675293,2300.889893
	C3603.962891,2311.969971 3608.327148,2321.937744 3604.662109,2332.630371
	C3609.606934,2349.541016 3607.000977,2366.964111 3608.355957,2384.106445
	C3608.954346,2391.676758 3612.163330,2399.040527 3614.541748,2407.803955
	C3620.053955,2405.198730 3624.373779,2403.676025 3628.138428,2401.280762
	C3639.349365,2394.147949 3650.424316,2386.790771 3661.361816,2379.245361
	C3663.991455,2377.430908 3665.882812,2374.546631 3669.284668,2371.566895
	C3675.001709,2368.537842 3679.548096,2366.096680 3684.094238,2363.655518
z"/>
<path fill="#10409F" opacity="1.000000" stroke="none"
	d="
M3394.281006,1591.440430
	C3396.037109,1594.711426 3396.001709,1597.746948 3394.250000,1602.340820
	C3381.696533,1605.274292 3370.859131,1606.649292 3358.656982,1608.004883
	C3355.470947,1607.931030 3353.649658,1607.876587 3351.877930,1606.269043
	C3351.903809,1601.601318 3351.880859,1598.486450 3351.857666,1595.371582
	C3353.900635,1594.412354 3355.943359,1593.452881 3359.075928,1592.073730
	C3370.940430,1591.504395 3381.714844,1591.354736 3394.281006,1591.440430
z"/>
<path fill="#174BAC" opacity="1.000000" stroke="none"
	d="
M2512.387451,1168.096924
	C2528.513428,1151.391846 2543.855469,1133.831665 2560.941162,1118.173706
	C2589.459961,1092.038086 2620.675537,1069.351929 2654.333496,1050.054565
	C2702.776611,1022.280090 2754.280273,1003.254517 2809.655518,995.602417
	C2832.014160,992.512695 2854.631592,989.185303 2877.101074,989.385742
	C2959.684570,990.122437 3036.040527,1011.616943 3103.401855,1061.160767
	C3171.449219,1111.208984 3217.633789,1177.497559 3248.222412,1255.361694
	C3263.365234,1293.907837 3273.424316,1333.929321 3279.044434,1374.890259
	C3283.478760,1407.207886 3285.284668,1439.800659 3281.382324,1474.278076
	C3275.697754,1476.065308 3271.907959,1476.051636 3268.056641,1474.160645
	C3266.674072,1441.161987 3269.658447,1410.079834 3264.655518,1378.832153
	C3259.721191,1348.014282 3254.066895,1317.522461 3244.358887,1287.947388
	C3222.065674,1220.030884 3186.984131,1159.968506 3135.807617,1109.258789
	C3108.080811,1081.785400 3076.697998,1059.923828 3042.736816,1041.644165
	C3001.299072,1019.340393 2955.971924,1008.711182 2909.589111,1004.553772
	C2869.864014,1000.993103 2829.849854,1003.690369 2790.969727,1013.231018
	C2734.508545,1027.085693 2681.268555,1049.017334 2632.445557,1081.096680
	C2615.223633,1092.412354 2599.074219,1105.013916 2582.994141,1117.877319
	C2564.209229,1132.904785 2547.419678,1149.686890 2530.954834,1168.404053
	C2527.986816,1169.879272 2526.044189,1170.931641 2522.943359,1171.510498
	C2518.652344,1170.057007 2515.520020,1169.076904 2512.387451,1168.096924
z"/>
<path fill="#103F9A" opacity="1.000000" stroke="none"
	d="
M2511.222656,1168.741699
	C2515.520020,1169.076904 2518.652344,1170.057007 2522.338135,1172.698486
	C2516.603760,1182.911377 2510.315918,1191.462769 2502.952637,1200.762695
	C2495.634277,1208.776611 2492.965332,1218.872803 2483.483887,1222.868652
	C2480.299561,1219.570068 2477.678467,1217.420776 2475.057129,1215.271362
	C2479.329834,1208.769653 2483.602783,1202.267944 2488.085449,1194.519531
	C2495.549561,1185.310669 2502.803711,1177.348511 2511.222656,1168.741699
z"/>
<path fill="#10409F" opacity="1.000000" stroke="none"
	d="
M3268.117676,1476.038086
	C3271.907959,1476.051636 3275.697754,1476.065308 3280.901123,1476.099609
	C3281.818115,1486.936523 3281.321777,1497.752441 3281.023926,1510.199219
	C3280.320312,1516.789917 3279.418701,1521.750122 3277.239746,1526.494629
	C3274.382568,1519.747803 3269.208496,1520.109985 3264.162109,1518.499512
	C3266.638428,1506.008179 3269.178467,1495.167725 3267.900879,1482.580200
	C3267.987793,1479.526733 3268.052734,1477.782349 3268.117676,1476.038086
z"/>
<path fill="#0D3585" opacity="1.000000" stroke="none"
	d="
M3264.203613,1520.147949
	C3269.208496,1520.109985 3274.382568,1519.747803 3276.377686,1527.734863
	C3276.526855,1535.672485 3276.260742,1542.154419 3276.049072,1550.275146
	C3273.530273,1562.725220 3270.776367,1573.497925 3268.448975,1584.361816
	C3266.970459,1591.263428 3266.125732,1598.300659 3264.805664,1606.459229
	C3283.952637,1608.948608 3300.339600,1599.997192 3318.958740,1598.119629
	C3329.579590,1596.676392 3338.958496,1596.049927 3350.097656,1595.397583
	C3351.880859,1598.486450 3351.903809,1601.601318 3350.286377,1606.335449
	C3339.214111,1609.972046 3329.947754,1613.126221 3318.526855,1612.242310
	C3305.165039,1615.649780 3293.351074,1618.924316 3281.285645,1622.268677
	C3282.113281,1629.534180 3284.919434,1634.477417 3288.993896,1638.950806
	C3301.826660,1653.039307 3314.843506,1666.974365 3327.245361,1681.435303
	C3335.257080,1690.776855 3344.520752,1699.432495 3346.455078,1711.913330
	C3339.436279,1711.994751 3334.051025,1711.585693 3328.790771,1712.218384
	C3325.764648,1712.582520 3322.941406,1714.633423 3318.426270,1715.951660
	C3312.557129,1715.974121 3308.288330,1715.969971 3303.875732,1714.583984
	C3300.941650,1703.735229 3291.368408,1699.722046 3286.560303,1691.997681
	C3275.947510,1674.949097 3259.979736,1662.955933 3246.368652,1648.758057
	C3243.918945,1646.203003 3239.489502,1645.545654 3235.406006,1642.865479
	C3232.281250,1637.862427 3228.640381,1636.005981 3223.906250,1634.511719
	C3223.578369,1632.509155 3223.585693,1631.731079 3223.210205,1631.255859
	C3205.169434,1608.429565 3183.582275,1589.412598 3159.948730,1572.625122
	C3158.988281,1571.942871 3157.392578,1572.154907 3156.072510,1570.348389
	C3156.094971,1564.474487 3156.137695,1560.202515 3157.307617,1554.818359
	C3159.017578,1543.745728 3159.600098,1533.785156 3161.636719,1523.890503
	C3166.703857,1525.336914 3171.067139,1525.853149 3173.811523,1528.234619
	C3196.235352,1547.694458 3220.024658,1565.592651 3240.991455,1586.736938
	C3243.026123,1588.788940 3246.240234,1589.671143 3249.637695,1591.487061
	C3256.309326,1573.961670 3261.053467,1557.652954 3261.169434,1539.092285
	C3262.889648,1532.080200 3263.546631,1526.114014 3264.203613,1520.147949
z"/>
<path fill="#174BAC" opacity="1.000000" stroke="none"
	d="
M2498.029785,3688.330078
	C2496.559326,3685.927246 2496.071289,3684.425049 2496.678467,3681.464355
	C2502.224854,3679.180908 2503.686523,3675.980225 2505.336914,3672.574951
	C2509.582520,3676.549316 2512.570801,3679.998779 2515.711914,3683.303223
	C2521.062256,3688.932129 2526.508057,3694.470215 2532.141113,3701.383301
	C2537.509033,3707.771240 2542.821533,3712.660156 2547.762207,3717.899658
	C2577.177002,3749.092773 2611.527832,3774.142334 2647.546875,3796.875977
	C2664.941162,3807.854736 2683.064941,3818.084473 2701.890625,3826.284180
	C2724.955811,3836.329834 2748.335449,3845.982178 2773.035156,3851.831543
	C2799.505127,3858.099854 2825.925293,3864.332275 2853.381836,3864.042480
	C2866.042969,3863.908691 2878.707275,3864.072021 2891.369629,3864.008545
	C2900.030029,3863.964844 2908.879395,3864.868652 2917.315430,3863.425537
	C2944.720459,3858.737061 2972.163574,3854.022461 2998.592773,3844.914307
	C3034.006592,3832.709473 3067.070801,3816.403320 3097.403564,3793.946777
	C3124.908691,3773.583984 3149.243408,3750.429443 3169.901123,3723.322998
	C3177.542236,3713.296631 3185.061768,3703.086426 3191.608643,3692.334229
	C3209.276123,3663.316650 3225.164062,3633.303223 3237.064209,3601.425781
	C3255.505371,3552.025391 3267.880127,3501.296631 3268.040283,3448.167236
	C3268.104736,3426.841064 3267.928711,3405.514648 3267.913086,3382.498291
	C3267.989258,3375.188477 3268.014160,3369.568604 3269.560547,3363.970703
	C3274.126709,3364.019043 3277.171875,3364.045654 3280.216797,3364.072021
	C3281.239746,3368.575195 3283.004395,3373.050781 3283.173828,3377.585693
	C3285.569092,3441.723389 3281.346924,3505.216553 3264.754150,3567.553223
	C3247.523438,3632.286377 3217.754395,3690.247803 3173.787598,3741.031006
	C3139.385498,3780.766846 3099.325439,3813.414062 3053.343018,3838.480713
	C3005.930664,3864.326660 2955.047363,3878.341797 2900.830078,3880.593750
	C2834.409424,3883.351807 2771.334473,3869.447266 2710.055176,3845.009766
	C2635.062744,3815.103516 2571.234131,3769.531738 2517.730225,3709.221191
	C2514.261230,3705.310547 2509.543213,3702.529053 2505.886475,3698.756836
	C2503.189697,3695.974365 2501.275391,3692.433838 2498.029785,3688.330078
z"/>
<path fill="#0D3585" opacity="1.000000" stroke="none"
	d="
M3280.369141,3362.483887
	C3277.171875,3364.045654 3274.126709,3364.019043 3269.524902,3362.372559
	C3266.544678,3351.969727 3265.289795,3343.153564 3263.584229,3334.425293
	C3263.131104,3332.105713 3261.294434,3330.056396 3260.088135,3326.186768
	C3261.688232,3307.542725 3253.578613,3293.054443 3249.350342,3276.106201
	C3245.652832,3278.264893 3243.233398,3279.189453 3241.433594,3280.804443
	C3226.256836,3294.422119 3211.302490,3308.289062 3196.048340,3321.818604
	C3188.684082,3328.350098 3181.120850,3334.753418 3173.040039,3340.334717
	C3169.544189,3342.749023 3164.512451,3342.940430 3160.105469,3342.339844
	C3160.016846,3332.681396 3160.489014,3324.782715 3159.822998,3316.981201
	C3159.334717,3311.262207 3157.352539,3305.670898 3156.045898,3299.029297
	C3156.055664,3298.036133 3156.086426,3296.049316 3157.540527,3296.020508
	C3164.821045,3296.342529 3168.705811,3292.978027 3172.742188,3289.360596
	C3180.545410,3282.366699 3188.972656,3276.056396 3196.621826,3268.907227
	C3206.245361,3259.913574 3215.524658,3250.528809 3224.541504,3240.926514
	C3226.568115,3238.768555 3226.892334,3235.011475 3229.268066,3231.317383
	C3237.414307,3225.980225 3235.853760,3218.770020 3237.581055,3212.063721
	C3249.180176,3212.212402 3254.792480,3204.574219 3259.458740,3197.914551
	C3267.917480,3185.841553 3278.347412,3175.826416 3288.541748,3165.476074
	C3292.300049,3161.660400 3296.120605,3157.955811 3297.342773,3152.025146
	C3300.453369,3152.030762 3302.230713,3152.037354 3305.170410,3153.211914
	C3321.652588,3155.021240 3336.972412,3155.663330 3352.211426,3157.759277
	C3351.268799,3169.067139 3344.643311,3175.962646 3338.848145,3182.814209
	C3326.142090,3197.837402 3312.644043,3212.196289 3299.303955,3226.674072
	C3294.351318,3232.048584 3289.744385,3237.409668 3289.343994,3246.764404
	C3306.750977,3254.464844 3325.533203,3256.672852 3345.577637,3259.968018
	C3354.084717,3261.341309 3361.047363,3262.670654 3368.012207,3265.504150
	C3367.995361,3270.016602 3367.976318,3273.025146 3367.957275,3276.033447
	C3363.742676,3276.100830 3359.528320,3276.168213 3353.737305,3276.371582
	C3335.914062,3273.720703 3319.666748,3270.933594 3300.394531,3267.445068
	C3289.656738,3264.783936 3282.003662,3262.513672 3274.200928,3261.027100
	C3271.337891,3260.481689 3268.121826,3261.790283 3264.533691,3262.333496
	C3265.669434,3274.746826 3267.568604,3285.729248 3272.206543,3296.128174
	C3274.504639,3312.502197 3276.802490,3328.876465 3279.832031,3346.705078
	C3280.549561,3352.404785 3280.535400,3356.650146 3280.369141,3362.483887
z"/>
<path fill="#174BAC" opacity="1.000000" stroke="none"
	d="
M3369.482422,3276.693359
	C3367.976318,3273.025146 3367.995361,3270.016602 3369.737793,3265.492188
	C3378.368408,3263.936523 3385.276123,3263.897461 3394.039551,3263.881348
	C3427.735596,3263.035156 3459.714600,3266.774902 3491.394531,3260.204102
	C3504.323486,3257.522705 3517.801025,3257.330811 3530.610840,3254.262207
	C3560.270020,3247.157471 3589.793701,3239.712158 3618.309814,3228.272705
	C3644.993408,3217.568359 3670.334717,3204.854980 3694.311279,3189.069092
	C3711.548828,3177.720215 3727.342773,3164.686768 3743.456787,3151.861572
	C3766.773682,3133.302979 3784.589355,3110.495361 3801.967041,3087.111084
	C3821.116211,3061.342773 3835.433350,3032.708740 3846.355957,3002.595947
	C3859.774170,2965.603516 3868.196045,2927.497559 3868.039551,2887.853760
	C3867.984375,2873.860840 3868.021729,2859.867920 3867.951172,2845.875244
	C3867.930908,2841.882812 3868.257080,2837.770264 3867.443359,2833.919922
	C3863.339111,2814.498779 3860.868896,2794.810791 3856.268555,2775.427734
	C3847.762939,2739.588867 3834.129883,2705.669678 3817.882324,2673.037842
	C3806.110840,2649.395996 3792.784668,2626.173828 3775.796631,2605.502930
	C3769.479004,2597.815674 3763.344727,2589.974121 3757.254150,2582.104492
	C3740.488770,2560.442627 3720.784180,2541.685791 3699.455811,2522.769043
	C3695.145752,2518.349609 3691.340332,2515.192627 3687.707764,2511.847656
	C3685.021484,2509.374512 3682.559814,2506.657227 3679.998047,2504.048828
	C3683.571289,2503.677979 3686.792725,2502.809814 3687.860352,2497.352295
	C3688.726074,2495.830811 3689.402832,2495.583252 3691.141113,2495.125488
	C3707.036621,2509.265381 3722.183838,2523.308350 3736.645508,2538.025391
	C3777.528564,2579.630127 3811.867920,2626.011475 3837.558838,2678.552490
	C3861.165039,2726.830566 3876.917236,2777.363525 3880.626953,2831.234863
	C3881.859619,2849.131104 3883.725098,2867.121338 3883.067139,2884.986328
	C3880.212646,2962.508789 3859.987793,3034.483154 3813.458496,3097.931396
	C3786.364258,3134.877686 3753.336182,3165.431396 3716.055908,3191.670898
	C3659.128906,3231.738037 3596.311035,3258.027100 3527.994141,3270.858643
	C3478.022217,3280.244385 3427.507568,3281.636963 3376.835449,3278.668945
	C3374.873779,3278.554199 3372.949463,3277.805908 3369.482422,3276.693359
z"/>
<path fill="#6580B4" opacity="1.000000" stroke="none"
	d="
M3273.564941,3295.947754
	C3267.568604,3285.729248 3265.669434,3274.746826 3264.533691,3262.333496
	C3268.121826,3261.790283 3271.337891,3260.481689 3274.200928,3261.027100
	C3282.003662,3262.513672 3289.656738,3264.783936 3298.731445,3267.455078
	C3296.352295,3281.605957 3286.077148,3289.087158 3273.564941,3295.947754
z"/>
<path fill="#174BAC" opacity="1.000000" stroke="none"
	d="
M1171.636841,2360.870361
	C1143.829956,2338.729248 1120.520264,2312.250488 1098.767090,2284.389648
	C1064.091187,2239.978027 1036.140503,2191.773926 1017.345093,2138.418213
	C998.003723,2083.512451 992.619019,2026.918335 995.168640,1969.145508
	C998.306946,1898.032349 1019.951538,1833.201904 1060.949219,1775.109863
	C1085.738281,1739.984741 1116.493896,1710.463379 1150.895996,1684.792603
	C1212.368652,1638.921509 1281.147827,1609.839111 1356.683472,1597.207642
	C1377.636963,1593.703857 1399.047607,1592.933472 1423.125244,1590.879028
	C1426.706543,1590.613525 1427.411133,1590.377930 1428.115601,1590.142456
	C1439.977417,1589.754150 1451.839355,1589.365845 1466.090210,1589.521729
	C1468.479248,1590.066040 1470.278931,1590.616577 1470.278931,1590.616577
	C1470.278931,1590.616577 1472.069580,1590.038452 1472.069580,1590.038452
	C1476.328247,1590.446899 1480.586792,1590.855347 1486.423096,1593.112427
	C1488.014648,1597.951294 1488.028442,1600.941406 1486.164429,1604.001099
	C1480.292847,1604.060669 1476.295166,1604.164795 1472.306152,1604.022461
	C1441.734375,1602.932129 1411.201416,1603.959839 1380.961670,1608.367432
	C1361.367432,1611.223511 1341.932861,1615.562500 1322.671753,1620.244873
	C1264.689819,1634.340454 1210.842285,1657.700684 1162.301880,1692.842896
	C1136.813232,1711.295898 1114.080200,1732.941650 1094.323730,1757.021484
	C1065.134644,1792.598145 1042.286743,1832.387695 1026.303833,1875.771851
	C1016.642090,1901.997559 1009.890137,1929.290039 1008.533203,1956.994507
	C1006.654785,1995.347778 1006.640381,2033.753662 1015.442993,2071.869629
	C1022.782715,2103.650879 1031.428589,2134.938965 1044.651489,2164.565918
	C1059.523560,2197.887939 1076.051025,2230.545166 1098.243286,2259.903320
	C1111.447021,2277.370850 1124.488770,2294.910400 1140.150391,2310.372559
	C1152.426514,2322.491943 1164.075684,2335.245850 1175.484863,2349.011475
	C1173.856445,2353.826660 1172.746704,2357.348633 1171.636841,2360.870361
z"/>
<path fill="#103F9A" opacity="1.000000" stroke="none"
	d="
M1172.185791,2361.956055
	C1172.746704,2357.348633 1173.856445,2353.826660 1176.464600,2349.135742
	C1177.963135,2347.966309 1179.928345,2348.156006 1180.531006,2349.352051
	C1187.318604,2359.660889 1196.938354,2364.662354 1205.707153,2370.539062
	C1211.291870,2374.281982 1217.005249,2377.547119 1219.071167,2384.653076
	C1217.356934,2388.922852 1216.693726,2392.365723 1216.030396,2395.808350
	C1215.350098,2395.838379 1214.669922,2395.868652 1212.967773,2395.922852
	C1203.584961,2389.351074 1195.224121,2382.754639 1185.519897,2375.893555
	C1180.362549,2371.433350 1176.548584,2367.237549 1172.185791,2361.956055
z"/>
<path fill="#123E92" opacity="1.000000" stroke="none"
	d="
M1488.042358,1603.931641
	C1488.028442,1600.941406 1488.014648,1597.951294 1487.994141,1593.465820
	C1498.783569,1592.042847 1509.579834,1592.114990 1522.172974,1592.130127
	C1530.360474,1597.736816 1538.698364,1594.400513 1546.987549,1599.199707
	C1548.138062,1605.041382 1548.097168,1608.479492 1546.405640,1611.931885
	C1525.924072,1608.561890 1507.400146,1602.965576 1487.970459,1604.032227
	C1487.993408,1604.001831 1488.042358,1603.931641 1488.042358,1603.931641
z"/>
<path fill="#7998D3" opacity="1.000000" stroke="none"
	d="
M1471.345459,1589.495605
	C1472.069580,1590.038452 1470.278931,1590.616577 1470.278931,1590.616577
	C1470.278931,1590.616577 1468.479248,1590.066040 1467.767700,1589.442871
	C1468.263916,1588.356567 1469.452271,1588.400879 1471.345459,1589.495605
z"/>
<path fill="#7998D3" opacity="1.000000" stroke="none"
	d="
M1427.641602,1589.726074
	C1427.411133,1590.377930 1426.706543,1590.613525 1424.925537,1590.559570
	C1424.742676,1589.146240 1425.848755,1588.826172 1427.641602,1589.726074
z"/>
<path fill="#0D327C" opacity="1.000000" stroke="none"
	d="
M1548.056274,1611.917603
	C1548.097168,1608.479492 1548.138062,1605.041382 1548.274902,1599.861328
	C1555.099487,1598.791626 1561.828125,1599.463745 1571.380859,1601.162231
	C1580.643677,1603.234131 1587.097046,1604.197876 1593.516846,1605.348999
	C1599.557739,1606.431885 1605.170410,1610.710205 1613.357544,1608.443115
	C1609.959595,1594.240234 1606.805542,1581.057129 1603.651489,1567.874146
	C1602.602417,1559.652954 1601.553345,1551.431763 1600.632812,1541.647705
	C1604.767944,1540.090820 1608.774536,1540.096802 1614.334106,1541.448486
	C1615.927979,1544.527954 1615.968872,1546.261475 1616.013672,1549.593994
	C1618.698486,1563.431274 1621.379639,1575.669678 1624.205566,1589.432129
	C1626.423584,1597.144775 1628.754272,1603.260742 1630.517212,1609.536133
	C1634.319946,1623.072266 1627.450195,1630.396606 1614.250122,1626.746826
	C1607.981323,1625.013306 1601.967773,1622.356567 1594.250488,1620.065918
	C1577.695923,1617.768188 1563.656860,1610.347046 1548.002441,1611.994995
	C1548.014648,1611.979736 1548.056274,1611.917603 1548.056274,1611.917603
z"/>
<path fill="#6580B4" opacity="1.000000" stroke="none"
	d="
M1602.306152,1568.064453
	C1606.805542,1581.057129 1609.959595,1594.240234 1613.357544,1608.443115
	C1605.170410,1610.710205 1599.557739,1606.431885 1593.516846,1605.348999
	C1587.097046,1604.197876 1580.643677,1603.234131 1573.070068,1601.178833
	C1572.305176,1598.272705 1572.072998,1595.896118 1573.141113,1594.556274
	C1581.162231,1584.494873 1589.206909,1574.389771 1602.306152,1568.064453
z"/>
<path fill="#174BAC" opacity="1.000000" stroke="none"
	d="
M2381.219238,3680.735352
	C2380.757812,3682.260010 2380.296631,3683.784912 2379.577637,3686.477539
	C2375.046387,3691.803711 2370.427734,3695.665283 2366.550293,3700.165527
	C2317.624512,3756.950195 2259.117432,3801.300293 2192.061279,3834.452881
	C2146.346680,3857.054199 2098.291260,3871.330566 2047.360352,3876.997559
	C1975.597778,3884.982666 1906.601562,3875.506592 1840.451050,3847.106445
	C1791.385254,3826.041016 1749.583496,3794.323242 1714.317749,3754.363281
	C1672.444458,3706.916260 1640.954102,3653.256348 1620.382080,3593.263184
	C1611.724609,3568.015869 1605.236816,3542.196289 1601.023560,3515.941650
	C1595.008789,3478.462158 1591.918945,3440.658936 1592.950073,3402.624268
	C1593.021851,3399.976562 1593.535889,3397.341064 1596.171631,3393.318604
	C1601.607056,3391.923340 1604.715454,3391.909180 1607.883057,3393.261963
	C1607.990479,3396.450684 1608.038696,3398.272949 1608.067627,3401.960449
	C1606.626831,3433.111572 1608.322876,3462.318115 1612.396729,3491.255371
	C1615.251953,3511.536621 1619.817383,3531.636230 1624.639893,3551.569824
	C1637.094238,3603.048828 1657.802124,3651.229736 1686.528198,3695.617432
	C1704.174683,3722.885254 1726.112793,3746.691406 1750.085815,3768.936523
	C1773.742920,3790.888428 1799.907837,3808.601074 1827.958008,3823.927246
	C1870.583984,3847.217773 1916.901489,3859.248779 1964.718994,3863.175293
	C1992.920166,3865.490967 2021.568359,3865.663330 2050.215576,3860.852783
	C2083.729736,3855.226074 2116.536377,3847.808350 2148.426758,3836.291748
	C2158.406494,3832.687744 2168.217285,3828.504639 2177.805664,3823.955078
	C2191.595703,3817.411621 2205.439941,3810.864258 2218.672852,3803.290527
	C2242.312744,3789.760010 2265.050293,3774.926025 2286.092773,3757.368896
	C2307.104736,3739.836670 2326.354004,3720.728027 2345.351318,3699.458496
	C2351.241943,3693.467773 2355.822266,3687.959473 2360.703857,3682.732910
	C2364.229248,3678.958496 2368.155518,3675.558350 2372.156250,3673.382812
	C2373.607666,3679.329834 2377.512451,3679.886475 2381.219238,3680.735352
z"/>
<path fill="#10409F" opacity="1.000000" stroke="none"
	d="
M1607.823730,3391.895020
	C1604.715454,3391.909180 1601.607056,3391.923340 1596.942749,3391.876953
	C1595.589722,3378.437256 1595.792725,3365.058105 1595.932129,3349.853760
	C1595.868652,3348.028564 1597.559937,3347.585693 1599.276001,3348.503662
	C1604.579346,3350.208252 1608.166504,3350.994629 1611.843262,3352.843262
	C1611.966064,3354.613281 1611.999512,3355.321289 1611.984375,3357.657227
	C1609.188232,3369.981689 1607.074463,3380.757812 1607.823730,3391.895020
z"/>
<path fill="#0E3580" opacity="1.000000" stroke="none"
	d="
M2382.182129,3679.834229
	C2377.512451,3679.886475 2373.607666,3679.329834 2372.631104,3672.353760
	C2373.962646,3667.968018 2375.072266,3666.002197 2377.373047,3663.416748
	C2388.020996,3652.609131 2393.931885,3640.226318 2401.316162,3627.382812
	C2409.511719,3616.874512 2419.608398,3608.456787 2418.549072,3593.635010
	C2414.082764,3593.036133 2410.276123,3592.208252 2406.444824,3592.072510
	C2395.894775,3591.699463 2385.270264,3592.828613 2375.032715,3588.706787
	C2372.125244,3587.536133 2368.482422,3588.070801 2365.174561,3588.035400
	C2347.358398,3587.843750 2329.435547,3589.115723 2312.570068,3582.788574
	C2320.001465,3573.478760 2328.535400,3566.592529 2332.449707,3554.897217
	C2335.247314,3551.846924 2337.584961,3549.870361 2341.645020,3547.938721
	C2362.075439,3553.066650 2381.223877,3551.913818 2400.282715,3551.991455
	C2409.527588,3552.029053 2418.772705,3551.986572 2429.308594,3552.572998
	C2438.011475,3557.878174 2445.043213,3556.096924 2453.810059,3551.945557
	C2470.163818,3551.979980 2484.644287,3552.119629 2499.119873,3551.917969
	C2504.328369,3551.845459 2509.531250,3551.003174 2514.726562,3550.421631
	C2521.857178,3549.623535 2528.978027,3548.739502 2537.146240,3548.404053
	C2540.137695,3551.260498 2542.085693,3553.605225 2544.584717,3557.163574
	C2549.496582,3563.020752 2554.210693,3567.390381 2558.095215,3572.403320
	C2560.699219,3575.763184 2562.126221,3580.035645 2562.360596,3583.939209
	C2548.807373,3584.176758 2537.698975,3589.681396 2525.520264,3588.111328
	C2504.362793,3585.383545 2483.827637,3593.302490 2462.696777,3592.468262
	C2458.231689,3592.291992 2454.824463,3597.568359 2457.265869,3600.706299
	C2464.059814,3609.438232 2465.638916,3621.709473 2476.066162,3629.413818
	C2482.047363,3640.217041 2487.572266,3649.817871 2493.807129,3658.932617
	C2496.301270,3662.578857 2500.360596,3665.154297 2503.796387,3669.161621
	C2503.885498,3670.105957 2504.148438,3671.984863 2504.148438,3671.984863
	C2503.686523,3675.980225 2502.224854,3679.180908 2496.388672,3680.313477
	C2488.318115,3672.809326 2481.632568,3664.997314 2474.023438,3656.267090
	C2462.554688,3638.766113 2452.009521,3622.183350 2441.898193,3606.282471
	C2435.742432,3604.483887 2433.722168,3608.477783 2431.627441,3611.552490
	C2422.370605,3625.138672 2413.341309,3638.879883 2404.022217,3653.888672
	C2396.925049,3663.119629 2390.035156,3671.026367 2382.182129,3679.834229
z"/>
<path fill="#175CDC" opacity="1.000000" stroke="none"
	d="
M1608.078003,1471.913208
	C1608.041260,1457.253906 1608.224609,1442.590088 1607.926270,1427.936157
	C1607.079468,1386.361206 1615.497314,1346.225586 1626.656616,1306.538208
	C1634.226440,1279.616821 1643.779541,1253.289062 1656.227051,1228.310791
	C1670.157837,1200.356323 1686.930298,1173.971436 1705.325928,1148.633179
	C1722.275757,1125.286499 1743.031128,1105.442627 1764.273682,1086.425293
	C1790.143188,1063.266113 1819.918335,1045.312866 1852.367065,1032.609131
	C1870.867676,1025.366089 1889.963379,1019.542053 1909.033447,1013.897766
	C1918.494019,1011.097656 1928.448730,1009.054871 1938.272339,1008.579895
	C1960.137939,1007.522583 1981.633423,1003.087952 2003.754028,1003.757751
	C2045.124023,1005.010376 2085.488281,1010.570557 2124.954346,1023.484253
	C2147.134277,1030.741699 2168.942139,1038.952637 2189.707764,1049.265503
	C2215.882080,1062.264648 2241.020996,1077.505493 2264.380859,1095.123901
	C2292.502930,1116.333862 2319.563965,1138.925537 2343.195068,1168.250732
	C2337.095215,1179.100220 2327.890381,1179.384155 2318.656494,1180.055176
	C2300.948486,1181.342163 2283.148193,1182.175903 2265.621582,1184.781860
	C2257.181396,1186.036987 2248.848633,1187.633301 2240.278076,1188.371704
	C2233.186768,1188.982788 2226.152100,1191.371948 2219.380371,1193.782349
	C2217.685059,1194.385864 2217.097656,1198.101318 2214.684082,1200.233398
	C2211.605713,1199.966309 2209.843994,1199.852295 2207.602295,1198.913330
	C2206.283936,1197.070801 2205.231445,1196.380127 2203.192871,1194.961182
	C2197.629395,1191.815918 2192.836914,1189.725342 2187.381348,1186.441162
	C2184.050049,1183.320679 2181.601074,1180.927124 2178.674072,1179.550537
	C2167.868164,1174.468384 2156.629395,1170.249146 2146.054932,1164.742432
	C2122.795898,1152.630005 2097.388672,1147.312744 2072.355957,1140.990234
	C2060.889648,1138.094238 2048.823242,1136.407959 2037.010132,1136.303711
	C2015.184692,1136.110840 1993.453003,1135.328735 1971.516357,1139.317261
	C1944.543823,1144.221191 1918.677979,1151.342407 1893.947021,1163.049805
	C1868.439697,1175.124878 1845.952515,1191.311401 1826.328735,1211.523071
	C1815.212158,1222.972778 1802.991455,1233.603638 1793.381958,1246.214111
	C1768.645142,1278.676636 1750.355713,1314.811890 1737.660156,1353.601196
	C1733.564453,1366.114990 1731.203125,1379.196411 1727.647095,1392.894897
	C1726.557129,1394.897095 1725.628052,1395.765625 1722.959717,1396.292236
	C1718.314819,1396.991821 1714.562378,1396.935425 1712.120361,1398.696167
	C1695.539429,1410.652710 1679.088379,1422.802002 1662.885254,1435.265991
	C1648.779297,1446.116577 1635.259277,1457.736816 1621.007935,1468.384766
	C1617.678101,1470.872681 1612.438843,1470.805054 1608.078003,1471.913208
z"/>
<path fill="#1350C3" opacity="1.000000" stroke="none"
	d="
M2216.000977,1200.386475
	C2217.097656,1198.101318 2217.685059,1194.385864 2219.380371,1193.782349
	C2226.152100,1191.371948 2233.186768,1188.982788 2240.278076,1188.371704
	C2248.848633,1187.633301 2257.181396,1186.036987 2265.621582,1184.781860
	C2283.148193,1182.175903 2300.948486,1181.342163 2318.656494,1180.055176
	C2327.890381,1179.384155 2337.095215,1179.100220 2343.804199,1169.435547
	C2347.325684,1170.298584 2350.540527,1172.655273 2354.848633,1175.511475
	C2359.247559,1184.373657 2364.912598,1191.098267 2370.720459,1200.133423
	C2368.394531,1204.204712 2366.297607,1206.997559 2364.139160,1207.046265
	C2348.197754,1207.405518 2332.545654,1210.214966 2316.760498,1211.862793
	C2308.870117,1212.686523 2301.072754,1213.171387 2293.157227,1214.630615
	C2276.941895,1217.620117 2260.325684,1218.436279 2242.513672,1219.964966
	C2231.904053,1214.438721 2223.069092,1208.558228 2216.000977,1200.386475
z"/>
<path fill="#1350C3" opacity="1.000000" stroke="none"
	d="
M1608.041748,1473.437622
	C1612.438843,1470.805054 1617.678101,1470.872681 1621.007935,1468.384766
	C1635.259277,1457.736816 1648.779297,1446.116577 1662.885254,1435.265991
	C1679.088379,1422.802002 1695.539429,1410.652710 1712.120361,1398.696167
	C1714.562378,1396.935425 1718.314819,1396.991821 1722.884277,1397.941406
	C1722.859497,1410.441162 1721.411255,1421.207031 1718.568604,1432.135254
	C1715.359253,1433.087280 1713.354370,1433.602417 1711.757812,1434.707397
	C1683.359741,1454.359741 1657.069946,1476.678345 1631.013672,1499.250122
	C1625.292114,1504.206543 1620.161377,1509.117432 1611.938599,1508.061890
	C1608.109375,1501.594849 1607.688599,1494.471069 1607.886108,1485.666504
	C1607.901733,1481.061890 1607.953613,1478.011963 1608.041748,1473.437622
z"/>
<path fill="#0D3075" opacity="1.000000" stroke="none"
	d="
M2474.001221,1216.004150
	C2477.678467,1217.420776 2480.299561,1219.570068 2482.960205,1224.030273
	C2481.897461,1229.506470 2480.795410,1232.671875 2478.511475,1236.483887
	C2466.078613,1247.073242 2461.406250,1261.317383 2453.709961,1273.575928
	C2452.497803,1275.506714 2453.086182,1278.567993 2452.902344,1280.477783
	C2459.569580,1287.772827 2467.455322,1287.835083 2475.551514,1288.075684
	C2498.661377,1288.762573 2521.932861,1285.604004 2544.852295,1291.689209
	C2551.241699,1293.385620 2558.054688,1292.190308 2563.232178,1286.683838
	C2574.122803,1275.101196 2585.158936,1263.655151 2597.307129,1251.534424
	C2602.219482,1247.430298 2605.693848,1243.581421 2609.789551,1240.581543
	C2612.738281,1238.422119 2616.515869,1237.394287 2621.207520,1236.072266
	C2626.693115,1237.148438 2627.656738,1240.323486 2627.813477,1244.764160
	C2627.658691,1245.565063 2627.327881,1247.162598 2626.007812,1247.450195
	C2614.587646,1253.910767 2607.197021,1262.855225 2598.770508,1272.562988
	C2590.281494,1282.018799 2582.959961,1290.845825 2574.645508,1300.164795
	C2571.740479,1301.773804 2569.828125,1302.890991 2567.093262,1302.966553
	C2562.338623,1299.448120 2558.515625,1300.073486 2555.393311,1303.087402
	C2548.240479,1309.992188 2540.931152,1316.804932 2534.443115,1324.309814
	C2527.553223,1332.279053 2521.675537,1341.114990 2515.057129,1349.331543
	C2513.078369,1351.788208 2510.325684,1354.708374 2507.530518,1355.212280
	C2499.732910,1356.617554 2492.383789,1356.443237 2484.956299,1351.202393
	C2471.284180,1341.555420 2460.048096,1329.469849 2447.993652,1318.158447
	C2438.271240,1309.035156 2431.837646,1309.695801 2423.743408,1320.820801
	C2412.522705,1336.243042 2396.616943,1345.508545 2382.210205,1355.130371
	C2369.685303,1353.504517 2360.898438,1348.312866 2353.788574,1339.801392
	C2345.323730,1329.667969 2336.351562,1319.954102 2328.014648,1309.719971
	C2324.714355,1305.668579 2322.531494,1300.706787 2321.490723,1295.904297
	C2329.615234,1294.438232 2336.050293,1292.911743 2342.574707,1292.115967
	C2347.834473,1291.474365 2353.636475,1292.976807 2358.439453,1291.324219
	C2372.135010,1286.611572 2386.108887,1288.608643 2399.982666,1287.969360
	C2407.168457,1287.638184 2414.614258,1289.502563 2422.395020,1285.547974
	C2422.720947,1282.704590 2424.252686,1279.102539 2423.248535,1276.466309
	C2418.048584,1262.813599 2411.861084,1249.623169 2399.725586,1238.753418
	C2398.089355,1234.409912 2397.016113,1231.220947 2395.942871,1228.031982
	C2396.311035,1224.435425 2397.220947,1221.223633 2402.688232,1220.154297
	C2408.236816,1225.200195 2412.505859,1230.433594 2418.291992,1237.428223
	C2424.461670,1249.078857 2430.538818,1257.963867 2438.757324,1267.585938
	C2445.544434,1256.528564 2453.609619,1248.087158 2457.231445,1236.746094
	C2462.469238,1230.076416 2467.707275,1223.406616 2474.001221,1216.004150
z"/>
<path fill="#6580B4" opacity="1.000000" stroke="none"
	d="
M2455.317139,1236.499634
	C2453.609619,1248.087158 2445.544434,1256.528564 2438.757324,1267.585938
	C2430.538818,1257.963867 2424.461670,1249.078857 2419.494629,1237.830200
	C2430.587891,1236.398315 2441.995361,1236.325806 2455.317139,1236.499634
z"/>
<path fill="#1148B0" opacity="1.000000" stroke="none"
	d="
M2394.747803,1227.429932
	C2397.016113,1231.220947 2398.089355,1234.409912 2398.570312,1239.905518
	C2379.900635,1244.108765 2362.197266,1249.109375 2343.751709,1248.071777
	C2323.343262,1246.923706 2303.636963,1251.715576 2282.708740,1255.553711
	C2276.154541,1251.169312 2270.679443,1247.534912 2265.518555,1243.499268
	C2260.858398,1239.855591 2256.541260,1235.773071 2251.563721,1230.794067
	C2248.661133,1226.518433 2246.267822,1223.332886 2243.874512,1220.147339
	C2260.325684,1218.436279 2276.941895,1217.620117 2293.157227,1214.630615
	C2301.072754,1213.171387 2308.870117,1212.686523 2316.760498,1211.862793
	C2332.545654,1210.214966 2348.197754,1207.405518 2364.139160,1207.046265
	C2366.297607,1206.997559 2368.394531,1204.204712 2371.302734,1201.312988
	C2375.035400,1203.226685 2378.170898,1206.363525 2380.891846,1209.825806
	C2385.256348,1215.379883 2389.346436,1221.149414 2394.747803,1227.429932
z"/>
<path fill="#1148B0" opacity="1.000000" stroke="none"
	d="
M1611.942383,1509.722656
	C1620.161377,1509.117432 1625.292114,1504.206543 1631.013672,1499.250122
	C1657.069946,1476.678345 1683.359741,1454.359741 1711.757812,1434.707397
	C1713.354370,1433.602417 1715.359253,1433.087280 1718.588623,1433.795898
	C1718.778076,1444.950562 1717.552734,1454.606689 1716.257202,1465.828491
	C1716.109009,1471.588379 1716.031006,1475.782837 1714.489990,1480.001343
	C1709.401978,1481.359741 1704.927979,1481.764893 1702.287964,1484.177124
	C1683.285767,1501.540039 1661.389526,1515.400757 1643.366089,1534.049683
	C1636.374634,1541.283936 1627.904541,1548.858643 1616.009766,1547.995117
	C1615.968872,1546.261475 1615.927979,1544.527954 1615.841064,1541.498047
	C1613.376221,1530.747314 1611.059448,1521.279297 1611.942383,1509.722656
z"/>
<path fill="#1144A8" opacity="1.000000" stroke="none"
	d="
M1197.360352,2484.807617
	C1199.140747,2483.902832 1200.013794,2483.786621 1202.354980,2485.092285
	C1203.852539,2489.809082 1203.882080,2493.104004 1203.350098,2497.562500
	C1196.571411,2504.448975 1190.323975,2510.139893 1184.150269,2515.909912
	C1181.355591,2518.521484 1178.707886,2521.291016 1174.798584,2524.572754
	C1140.209473,2554.954590 1111.906250,2589.108154 1086.811768,2626.066162
	C1069.182251,2652.030273 1055.275635,2680.012939 1042.053833,2708.321533
	C1031.688965,2730.513916 1023.667908,2753.425781 1018.372742,2777.640625
	C1011.671997,2808.283203 1007.658875,2838.825928 1007.716736,2870.186279
	C1007.759827,2893.497803 1008.081360,2916.768799 1012.854248,2939.535400
	C1020.624390,2976.597168 1030.821045,3012.845459 1048.989380,3046.635498
	C1067.391968,3080.861328 1089.814697,3111.826172 1117.397827,3139.062988
	C1123.026489,3144.621094 1130.394653,3148.468262 1135.782471,3154.209961
	C1148.245972,3167.491211 1163.608154,3177.227783 1178.595825,3186.581055
	C1225.522461,3215.866211 1275.141235,3239.661865 1329.682251,3251.720459
	C1364.052856,3259.320068 1398.456543,3265.943115 1433.984375,3264.241699
	C1450.594849,3263.446045 1467.269531,3263.990234 1485.673096,3263.963623
	C1495.617554,3263.996826 1503.803955,3263.993408 1511.996216,3265.492676
	C1512.012573,3269.999512 1512.022827,3273.004395 1512.033081,3276.009033
	C1506.877930,3277.058838 1501.729248,3278.972168 1496.566406,3279.011963
	C1472.054565,3279.200439 1447.538818,3278.878174 1420.492920,3277.752930
	C1416.880249,3276.345703 1415.772095,3276.257568 1414.637085,3276.503906
	C1402.634521,3275.862061 1390.631958,3275.219971 1376.354248,3273.599609
	C1373.252930,3272.257812 1372.389893,3272.114990 1371.490234,3272.192383
	C1365.880981,3271.806641 1360.271606,3271.421143 1352.473145,3269.967285
	C1349.327759,3268.377197 1348.307861,3268.173584 1347.224121,3268.288330
	C1332.911743,3265.536621 1318.353638,3263.691406 1304.325317,3259.891602
	C1180.658447,3226.392578 1089.059204,3152.576660 1029.729004,3039.164062
	C1010.450317,3002.312256 1000.001953,2962.676758 994.906555,2921.229004
	C986.317322,2851.360352 999.214233,2784.694824 1022.902405,2719.687988
	C1048.567627,2649.256104 1088.604492,2587.719482 1142.224609,2535.154053
	C1159.723511,2517.999268 1177.440918,2501.091553 1197.360352,2484.807617
z"/>
<path fill="#0D3585" opacity="1.000000" stroke="none"
	d="
M1513.500732,3276.203125
	C1512.022827,3273.004395 1512.012573,3269.999512 1513.406860,3264.914307
	C1521.849121,3261.849365 1528.886719,3260.865234 1537.504395,3259.756348
	C1550.661255,3257.005615 1562.249756,3254.429443 1573.809204,3251.730225
	C1578.921997,3250.536377 1584.087891,3249.266602 1586.780518,3243.630615
	C1585.863403,3241.810791 1585.322998,3239.805664 1584.085327,3238.425781
	C1570.383301,3223.148926 1555.871826,3208.533203 1543.032104,3192.570068
	C1534.063354,3181.419434 1522.508301,3171.519043 1521.512451,3156.166504
	C1531.936890,3156.049805 1540.570801,3156.387207 1549.146606,3155.829102
	C1552.795898,3155.591797 1556.323242,3153.479980 1561.410767,3152.166016
	C1565.926758,3152.115479 1568.938110,3152.119141 1571.980103,3153.578613
	C1572.583740,3157.594238 1572.389282,3160.762207 1573.856689,3162.612793
	C1582.064697,3172.964600 1590.411865,3183.233154 1599.218750,3193.076416
	C1608.502197,3203.451904 1618.662476,3213.049805 1627.810059,3223.536621
	C1631.517456,3227.787109 1635.575684,3227.911865 1641.076904,3228.284668
	C1642.971924,3229.551025 1643.694092,3230.593018 1644.191284,3233.251465
	C1646.808594,3238.378906 1648.894897,3242.520752 1651.938354,3245.764404
	C1659.578613,3253.908203 1667.382202,3261.940674 1675.615723,3269.476318
	C1687.676758,3280.515869 1700.085449,3291.183105 1712.573975,3301.739502
	C1714.381714,3303.267578 1717.456055,3303.297607 1719.967285,3305.522949
	C1719.966431,3310.028809 1719.942383,3313.032715 1718.774780,3317.143799
	C1717.050781,3328.208740 1716.470215,3338.166992 1714.502441,3347.940918
	C1703.566040,3343.206055 1695.274048,3337.027100 1687.568481,3329.718750
	C1671.385742,3314.370605 1654.748413,3299.501709 1638.284546,3284.450439
	C1637.316040,3283.565186 1636.276245,3282.740234 1635.190918,3282.003418
	C1630.868408,3279.069824 1625.825928,3280.466309 1624.366577,3285.785889
	C1621.259033,3297.114014 1618.798828,3308.619629 1615.870850,3321.630371
	C1611.189209,3332.297607 1612.062256,3342.120361 1611.753662,3351.781250
	C1608.166504,3350.994629 1604.579346,3350.208252 1600.120361,3348.277344
	C1600.798096,3332.568848 1602.347656,3318.004395 1604.544189,3300.397461
	C1607.223145,3288.988525 1609.622437,3280.686279 1611.108765,3272.224121
	C1611.716675,3268.763672 1610.349121,3264.956055 1609.727417,3260.116455
	C1596.161865,3263.324219 1583.961914,3266.208984 1571.761963,3269.093750
	C1556.765015,3271.146240 1541.768188,3273.198730 1525.302979,3275.960938
	C1520.879150,3276.579590 1517.923706,3276.488525 1513.500732,3276.203125
z"/>
<path fill="#174BAC" opacity="1.000000" stroke="none"
	d="
M1415.303101,3277.102051
	C1415.772095,3276.257568 1416.880249,3276.345703 1418.652710,3277.209717
	C1419.343994,3277.651367 1417.664795,3278.200195 1417.664795,3278.200195
	C1417.664795,3278.200195 1415.969116,3277.700195 1415.303101,3277.102051
z"/>
<path fill="#174BAC" opacity="1.000000" stroke="none"
	d="
M1371.980469,3272.761963
	C1372.389893,3272.114990 1373.252930,3272.257812 1374.633911,3272.943848
	C1375.188599,3273.266846 1373.844482,3273.891846 1373.844482,3273.891846
	C1373.844482,3273.891846 1372.470825,3273.331543 1371.980469,3272.761963
z"/>
<path fill="#174BAC" opacity="1.000000" stroke="none"
	d="
M1347.781738,3268.915039
	C1348.307861,3268.173584 1349.327759,3268.377197 1350.885254,3269.388184
	C1351.486450,3269.876953 1349.859009,3270.218750 1349.859009,3270.218750
	C1349.859009,3270.218750 1348.339355,3269.541992 1347.781738,3268.915039
z"/>
<path fill="#6C88BF" opacity="1.000000" stroke="none"
	d="
M1571.842773,3270.471191
	C1583.961914,3266.208984 1596.161865,3263.324219 1609.727417,3260.116455
	C1610.349121,3264.956055 1611.716675,3268.763672 1611.108765,3272.224121
	C1609.622437,3280.686279 1607.223145,3288.988525 1604.480591,3298.724609
	C1599.420776,3298.889648 1593.796631,3298.989502 1590.970947,3296.226807
	C1583.617798,3289.037109 1573.139893,3283.913574 1571.842773,3270.471191
z"/>
<path fill="#0D327C" opacity="1.000000" stroke="none"
	d="
M1203.911499,2496.398926
	C1203.882080,2493.104004 1203.852539,2489.809082 1203.656738,2484.867188
	C1216.373291,2473.402344 1229.256226,2463.584229 1244.320068,2452.390137
	C1254.376709,2446.647217 1262.077759,2442.052734 1268.864380,2434.878174
	C1262.251465,2425.333984 1252.215088,2422.145996 1243.585571,2417.042236
	C1235.047607,2410.571533 1226.509644,2404.100830 1217.000977,2396.719238
	C1216.693726,2392.365723 1217.356934,2388.922852 1220.346924,2384.755371
	C1224.375977,2384.175293 1226.078247,2384.320312 1228.051758,2385.780518
	C1239.839478,2400.455811 1256.544800,2406.038818 1270.809814,2415.270020
	C1273.951660,2417.303223 1277.994629,2417.943359 1280.766724,2418.922852
	C1287.586426,2415.399658 1287.981934,2410.165771 1287.979248,2404.730713
	C1287.972778,2391.493652 1287.946289,2378.256104 1288.023071,2365.019531
	C1288.053711,2359.732422 1287.057373,2353.990723 1288.751343,2349.250244
	C1293.144287,2336.956299 1291.508789,2324.396240 1293.464844,2312.075684
	C1297.962280,2314.258545 1301.255127,2316.119385 1304.254272,2318.371582
	C1308.303223,2321.412109 1312.126099,2324.753906 1316.794922,2329.012207
	C1323.782104,2336.006836 1330.020386,2341.955566 1335.015869,2349.051758
	C1333.181641,2354.630371 1332.129761,2359.056885 1332.081177,2363.494385
	C1331.903442,2379.687500 1332.060425,2395.884277 1331.468018,2413.300781
	C1327.686035,2417.919189 1324.406738,2421.212891 1321.392944,2424.734131
	C1314.171387,2433.171143 1314.044800,2439.269531 1321.601440,2447.355225
	C1329.751343,2456.075684 1338.633179,2464.117676 1346.683594,2472.923828
	C1351.087769,2477.741455 1355.325439,2483.110352 1358.057495,2488.967773
	C1362.661743,2498.838623 1360.180908,2507.060059 1351.700439,2513.572998
	C1344.899170,2518.796387 1337.385132,2523.147949 1330.907959,2528.723145
	C1322.394043,2536.051514 1314.310669,2543.940186 1306.597778,2552.112305
	C1303.007568,2555.916504 1303.201172,2560.615479 1307.682617,2565.055664
	C1306.064941,2567.997070 1304.892456,2569.905762 1302.570312,2572.395508
	C1295.528076,2579.016846 1289.635254,2585.057129 1282.458496,2591.543457
	C1271.312866,2602.558350 1261.451294,2613.127197 1250.459229,2624.382812
	C1243.259766,2633.361328 1237.190796,2641.652588 1230.182373,2650.347656
	C1228.639893,2651.069092 1228.036865,2651.386963 1226.177612,2651.639648
	C1221.762329,2650.378906 1218.603027,2649.182861 1215.749390,2646.619629
	C1218.516357,2635.018799 1226.997559,2628.599121 1233.184814,2619.458984
	C1238.051270,2616.397705 1239.984497,2612.872070 1241.395752,2607.749023
	C1251.044556,2598.071289 1259.534912,2589.045410 1269.226074,2579.440430
	C1280.639771,2569.556885 1290.809448,2560.212402 1298.192017,2550.816162
	C1297.352783,2540.277100 1296.470825,2531.824219 1296.063354,2523.348877
	C1295.651001,2514.772461 1297.321777,2505.743896 1295.177734,2497.685547
	C1292.041382,2485.898438 1292.215332,2474.209473 1291.958862,2462.367188
	C1291.875244,2458.507568 1291.303467,2454.658447 1291.033936,2451.677979
	C1285.215454,2446.750000 1280.033325,2447.748779 1275.383667,2450.606689
	C1268.708252,2454.709473 1262.439087,2459.472900 1254.757812,2464.510498
	C1244.412231,2470.490479 1233.299927,2473.138672 1226.557251,2483.832031
	C1219.012451,2485.724121 1215.047852,2490.102295 1210.547119,2495.552490
	C1207.448730,2495.926025 1205.680176,2496.162354 1203.911499,2496.398926
z"/>
<path fill="#637EB2" opacity="1.000000" stroke="none"
	d="
M1243.679443,2418.745117
	C1252.215088,2422.145996 1262.251465,2425.333984 1268.864380,2434.878174
	C1262.077759,2442.052734 1254.376709,2446.647217 1245.147217,2451.353027
	C1243.786865,2441.277588 1243.780151,2430.862549 1243.679443,2418.745117
z"/>
<path fill="#6580B4" opacity="1.000000" stroke="none"
	d="
M3635.716553,2451.033691
	C3625.282715,2449.968994 3617.535645,2443.083008 3608.270508,2436.451172
	C3612.221436,2426.709961 3621.078857,2423.930664 3630.102051,2419.451172
	C3634.587646,2428.930664 3637.341797,2438.799316 3635.716553,2451.033691
z"/>
<path fill="#175CDC" opacity="1.000000" stroke="none"
	d="
M3400.103027,1604.096436
	C3414.742920,1604.064941 3429.383301,1604.099487 3444.022705,1603.988037
	C3471.978027,1603.775269 3499.341797,1608.676270 3526.699463,1613.538574
	C3561.469482,1619.718506 3594.788574,1630.913818 3627.237549,1644.466919
	C3664.131836,1659.876831 3699.297607,1678.909424 3730.025879,1704.618042
	C3762.664551,1731.925537 3791.586426,1763.105347 3813.326416,1799.973755
	C3837.697998,1841.305054 3856.389404,1884.926880 3864.587891,1932.772461
	C3866.854980,1946.004028 3867.959717,1959.014038 3868.055908,1972.267822
	C3868.142822,1984.245361 3867.644287,1996.244629 3868.190186,2008.198364
	C3869.694580,2041.136353 3862.548584,2072.743408 3853.863037,2104.090576
	C3845.688477,2133.592773 3834.520508,2162.139404 3820.754395,2189.342773
	C3805.495850,2219.495117 3787.936768,2248.411865 3766.998779,2275.248535
	C3747.663818,2300.030273 3724.775391,2321.193115 3700.583008,2342.106445
	C3693.045898,2329.751953 3691.134277,2317.521484 3691.945068,2304.742188
	C3692.153320,2301.454590 3692.188965,2298.078125 3691.693359,2294.835938
	C3687.828369,2269.547852 3683.905273,2244.268066 3679.750244,2219.026611
	C3679.121094,2215.205322 3677.198975,2211.596436 3676.470215,2206.629395
	C3683.668701,2192.302490 3689.998535,2179.088623 3696.931152,2166.198730
	C3712.157471,2137.887939 3722.009277,2107.629395 3729.591309,2076.589844
	C3732.408203,2065.057129 3735.416748,2053.209961 3735.593506,2041.464966
	C3736.022461,2012.979370 3738.636475,1984.311523 3731.935059,1956.073364
	C3727.640869,1937.977905 3723.353271,1919.860596 3715.453613,1902.946533
	C3697.304199,1864.087158 3673.545410,1829.772095 3640.329590,1801.549683
	C3606.345703,1772.674683 3568.534912,1751.547485 3527.060059,1736.409424
	C3510.261719,1730.277954 3492.976318,1725.481812 3475.791992,1718.671631
	C3474.917969,1715.450684 3474.483887,1713.404297 3473.361328,1711.857788
	C3462.144287,1696.402710 3451.028320,1680.866821 3439.452881,1665.682129
	C3429.079590,1652.074707 3418.720459,1638.377686 3407.262451,1625.708130
	C3401.261963,1619.073730 3399.373291,1612.333252 3400.103027,1604.096436
z"/>
<path fill="#1350C3" opacity="1.000000" stroke="none"
	d="
M3675.875000,2207.889404
	C3677.198975,2211.596436 3679.121094,2215.205322 3679.750244,2219.026611
	C3683.905273,2244.268066 3687.828369,2269.547852 3691.693359,2294.835938
	C3692.188965,2298.078125 3692.153320,2301.454590 3691.945068,2304.742188
	C3691.134277,2317.521484 3693.045898,2329.751953 3699.394531,2342.717773
	C3695.056396,2349.900391 3690.113281,2355.650635 3684.632324,2362.528320
	C3679.548096,2366.096680 3675.001709,2368.537842 3667.770020,2371.245850
	C3658.156006,2368.214844 3656.343262,2361.865723 3656.140137,2355.134766
	C3655.527344,2334.796631 3656.907227,2314.413818 3652.183594,2294.254150
	C3649.656006,2283.466797 3649.117188,2272.225098 3647.347900,2261.242188
	C3646.735107,2257.439941 3643.253662,2256.503418 3640.092773,2254.640137
	C3650.842285,2238.139893 3661.369385,2223.016357 3672.891113,2207.895996
	C3673.885742,2207.899170 3675.875000,2207.889404 3675.875000,2207.889404
z"/>
<path fill="#1350C3" opacity="1.000000" stroke="none"
	d="
M3399.049805,1604.031006
	C3399.373291,1612.333252 3401.261963,1619.073730 3407.262451,1625.708130
	C3418.720459,1638.377686 3429.079590,1652.074707 3439.452881,1665.682129
	C3451.028320,1680.866821 3462.144287,1696.402710 3473.361328,1711.857788
	C3474.483887,1713.404297 3474.917969,1715.450684 3474.145508,1718.661133
	C3466.807373,1719.255249 3461.000244,1718.417236 3455.182129,1717.663940
	C3451.311279,1717.162598 3447.424316,1716.781860 3442.283203,1716.331543
	C3439.342041,1716.224365 3437.662109,1716.132812 3435.847168,1714.644287
	C3435.545898,1712.602051 3435.553711,1711.829590 3435.188232,1711.329712
	C3413.295166,1681.369507 3390.897949,1651.795898 3366.038086,1624.205444
	C3361.683594,1619.372559 3359.439941,1614.383911 3360.021973,1608.024414
	C3370.859131,1606.649292 3381.696533,1605.274292 3394.212402,1603.856445
	C3396.593018,1603.864380 3397.294678,1603.914917 3399.049805,1604.031006
z"/>
<path fill="#0A204E" opacity="1.000000" stroke="none"
	d="
M3567.812988,2544.211426
	C3567.812988,2544.211426 3567.997803,2546.083252 3568.004883,2548.375977
	C3567.981689,2554.330078 3567.635254,2557.854248 3562.771973,2559.349609
	C3551.752197,2552.260254 3541.942139,2545.762939 3531.463135,2538.129883
	C3525.465820,2533.148438 3520.363525,2528.925049 3514.745361,2525.564209
	C3509.136963,2522.208496 3503.267090,2518.815674 3495.111816,2520.550781
	C3492.114746,2522.034180 3490.175293,2523.145508 3487.602051,2522.866943
	C3485.888916,2516.519043 3484.647461,2511.589600 3483.777832,2506.595215
	C3482.961426,2501.904785 3479.785400,2500.413574 3475.902344,2498.455078
	C3491.063232,2476.133057 3506.016113,2455.189941 3521.721924,2433.192139
	C3518.913818,2429.571045 3515.664551,2425.555420 3512.604004,2421.400879
	C3504.407471,2410.274414 3496.292236,2399.088135 3489.687500,2387.580566
	C3492.793457,2384.621582 3495.527588,2382.084717 3495.707275,2379.378418
	C3496.313721,2370.241943 3496.013428,2361.045654 3497.454834,2351.782959
	C3508.845459,2349.072998 3516.570801,2342.730713 3525.429443,2335.672607
	C3536.403809,2328.737793 3546.147705,2322.359619 3556.875488,2316.589355
	C3559.875732,2319.464600 3561.891846,2321.732178 3563.359863,2325.108887
	C3559.195312,2329.450439 3555.578857,2332.683594 3550.755615,2336.514648
	C3535.794678,2346.166504 3523.859375,2357.295166 3511.531494,2369.461914
	C3520.564453,2386.132812 3531.080566,2401.002686 3544.529541,2413.686523
	C3546.250244,2415.309326 3549.395020,2415.422119 3552.532715,2417.465820
	C3562.196045,2431.807861 3562.193848,2431.922607 3553.927979,2444.555664
	C3553.210938,2445.651367 3552.636963,2446.840332 3550.788086,2448.571045
	C3534.725586,2460.922607 3525.387939,2477.218018 3514.503906,2492.208496
	C3510.865723,2497.219238 3511.478271,2502.621094 3516.798340,2506.285645
	C3528.788574,2514.545166 3538.188965,2526.311523 3552.650146,2533.158447
	C3558.180420,2537.528076 3562.996826,2540.869629 3567.812988,2544.211426
z"/>
<path fill="#1144A8" opacity="1.000000" stroke="none"
	d="
M3639.870605,2256.016846
	C3643.253662,2256.503418 3646.735107,2257.439941 3647.347900,2261.242188
	C3649.117188,2272.225098 3649.656006,2283.466797 3652.183594,2294.254150
	C3656.907227,2314.413818 3655.527344,2334.796631 3656.140137,2355.134766
	C3656.343262,2361.865723 3658.156006,2368.214844 3666.599121,2371.833496
	C3665.882812,2374.546631 3663.991455,2377.430908 3661.361816,2379.245361
	C3650.424316,2386.790771 3639.349365,2394.147949 3628.138428,2401.280762
	C3624.373779,2403.676025 3620.053955,2405.198730 3614.541748,2407.803955
	C3612.163330,2399.040527 3608.954346,2391.676758 3608.355957,2384.106445
	C3607.000977,2366.964111 3609.606934,2349.541016 3604.662109,2332.630371
	C3608.327148,2321.937744 3603.962891,2311.969971 3600.979004,2299.544678
	C3603.056152,2293.231445 3605.903320,2289.066162 3609.044434,2285.135986
	C3612.613525,2280.670410 3616.445557,2276.414795 3621.310303,2271.506104
	C3628.261719,2265.968506 3634.066162,2260.992676 3639.870605,2256.016846
z"/>
<path fill="#1350C3" opacity="1.000000" stroke="none"
	d="
M3678.831787,2503.462402
	C3682.559814,2506.657227 3685.021484,2509.374512 3687.707764,2511.847656
	C3691.340332,2515.192627 3695.145752,2518.349609 3698.093506,2523.538818
	C3695.798096,2527.584717 3693.248291,2529.538330 3692.943115,2531.795410
	C3691.019775,2546.024170 3689.541504,2560.313965 3688.020752,2574.594971
	C3686.429688,2589.537842 3685.100586,2604.510010 3683.370605,2619.436035
	C3682.546143,2626.548096 3681.005371,2633.574951 3679.885742,2640.655518
	C3678.937988,2646.652100 3677.055176,2652.122314 3670.979980,2655.301758
	C3665.386475,2649.716797 3660.842529,2644.839844 3655.666016,2638.817383
	C3651.331543,2631.810059 3647.629639,2625.948242 3643.995117,2618.421143
	C3645.364746,2610.304932 3647.149902,2603.907959 3647.877441,2597.393066
	C3649.925781,2579.048340 3651.813721,2560.726318 3652.673584,2542.216309
	C3653.308350,2528.554199 3656.190918,2514.823486 3656.548340,2500.924805
	C3656.628174,2497.814209 3658.811035,2494.757812 3660.025391,2491.676514
	C3665.905518,2495.409668 3671.785400,2499.142822 3678.831787,2503.462402
z"/>
<path fill="#1144A8" opacity="1.000000" stroke="none"
	d="
M3659.423828,2490.502930
	C3658.811035,2494.757812 3656.628174,2497.814209 3656.548340,2500.924805
	C3656.190918,2514.823486 3653.308350,2528.554199 3652.673584,2542.216309
	C3651.813721,2560.726318 3649.925781,2579.048340 3647.877441,2597.393066
	C3647.149902,2603.907959 3645.364746,2610.304932 3642.799072,2617.821045
	C3633.020508,2608.595947 3624.505371,2598.305420 3616.201416,2586.375732
	C3619.150635,2577.851318 3620.428711,2570.782471 3620.098145,2563.302002
	C3619.864502,2558.013916 3619.331299,2552.243896 3621.071533,2547.468994
	C3624.399170,2538.338867 3623.889893,2529.137939 3623.983887,2519.862305
	C3624.064941,2511.870117 3623.866211,2503.873047 3624.052246,2495.884277
	C3624.256592,2487.130371 3626.317383,2478.904541 3632.029785,2471.942383
	C3641.248047,2477.294922 3652.207764,2479.964600 3659.423828,2490.502930
z"/>
<path fill="#0D3075" opacity="1.000000" stroke="none"
	d="
M3551.996582,2447.985840
	C3552.636963,2446.840332 3553.210938,2445.651367 3553.927979,2444.555664
	C3562.193848,2431.922607 3562.196045,2431.807861 3552.576660,2415.566406
	C3551.966064,2386.929199 3551.964355,2361.422852 3551.962646,2335.916504
	C3555.578857,2332.683594 3559.195312,2329.450439 3564.383301,2325.108887
	C3566.636719,2324.000000 3567.318359,2324.000000 3568.000000,2324.000000
	C3567.996826,2337.300781 3567.934814,2350.602051 3568.010742,2363.902588
	C3568.063477,2373.166016 3566.982666,2382.581299 3571.167480,2391.378418
	C3571.259033,2421.940918 3571.350342,2452.503662 3571.441895,2483.066162
	C3564.907715,2501.863770 3569.286133,2521.327148 3567.876953,2542.326416
	C3562.996826,2540.869629 3558.180420,2537.528076 3552.673340,2531.270020
	C3551.987305,2501.564453 3551.991943,2474.775146 3551.996582,2447.985840
z"/>
<path fill="#103F9A" opacity="1.000000" stroke="none"
	d="
M3631.235840,2470.850586
	C3626.317383,2478.904541 3624.256592,2487.130371 3624.052246,2495.884277
	C3623.866211,2503.873047 3624.064941,2511.870117 3623.983887,2519.862305
	C3623.889893,2529.137939 3624.399170,2538.338867 3621.071533,2547.468994
	C3619.331299,2552.243896 3619.864502,2558.013916 3620.098145,2563.302002
	C3620.428711,2570.782471 3619.150635,2577.851318 3615.015625,2585.810547
	C3606.402832,2579.261230 3599.186768,2571.637695 3591.970703,2564.013916
	C3597.158203,2545.842529 3595.770020,2527.198486 3596.074951,2508.660889
	C3596.161377,2503.397705 3597.146973,2498.150879 3597.684326,2492.893066
	C3598.489990,2485.013184 3599.372314,2477.138672 3600.005371,2469.244385
	C3600.322998,2465.282471 3600.122559,2465.266602 3606.318848,2457.362549
	C3616.441162,2457.219482 3622.425293,2465.527588 3631.235840,2470.850586
z"/>
<path fill="#0D3075" opacity="1.000000" stroke="none"
	d="
M3590.777100,2563.437500
	C3599.186768,2571.637695 3606.402832,2579.261230 3614.804688,2587.449707
	C3624.505371,2598.305420 3633.020508,2608.595947 3642.731934,2619.486572
	C3647.629639,2625.948242 3651.331543,2631.810059 3655.101562,2639.855957
	C3652.790283,2643.990234 3650.410645,2645.939941 3646.979980,2647.088867
	C3638.769775,2638.380371 3631.610596,2630.472412 3624.168457,2621.291016
	C3617.833008,2609.925049 3608.387207,2603.311768 3599.089355,2594.905518
	C3590.557861,2582.696777 3579.297852,2575.374512 3567.875977,2566.670654
	C3566.256348,2563.756348 3565.119141,2561.848877 3563.981934,2559.941406
	C3567.635254,2557.854248 3567.981689,2554.330078 3568.054688,2549.314941
	C3572.956787,2547.934570 3576.476807,2550.499512 3579.753174,2553.750244
	C3582.922852,2556.895264 3586.298340,2559.832764 3590.777100,2563.437500
z"/>
<path fill="#0F2D6A" opacity="1.000000" stroke="none"
	d="
M3569.190430,2323.409912
	C3567.318359,2324.000000 3566.636719,2324.000000 3564.931641,2324.000000
	C3561.891846,2321.732178 3559.875732,2319.464600 3556.847656,2315.484619
	C3555.761475,2313.039307 3555.687256,2312.306396 3556.452637,2310.565430
	C3566.207275,2304.187744 3574.292236,2297.863770 3581.746338,2288.825195
	C3591.228760,2280.069824 3602.390625,2274.898926 3609.241699,2263.547852
	C3613.320312,2261.233643 3616.228516,2259.425537 3619.361328,2259.414795
	C3619.778320,2264.830811 3619.970947,2268.449463 3620.163330,2272.068115
	C3616.445557,2276.414795 3612.613525,2280.670410 3609.044434,2285.135986
	C3605.903320,2289.066162 3603.056152,2293.231445 3599.775391,2298.638184
	C3594.331299,2299.890869 3590.952637,2303.020264 3587.584473,2306.320801
	C3581.909668,2311.881348 3576.121094,2317.326172 3569.190430,2323.409912
z"/>
<path fill="#1148B0" opacity="1.000000" stroke="none"
	d="
M3358.656982,1608.004883
	C3359.439941,1614.383911 3361.683594,1619.372559 3366.038086,1624.205444
	C3390.897949,1651.795898 3413.295166,1681.369507 3435.188232,1711.329712
	C3435.553711,1711.829590 3435.545898,1712.602051 3434.123779,1714.694092
	C3426.090088,1715.579834 3419.635498,1715.110474 3413.202393,1714.433716
	C3406.138916,1713.690674 3399.095703,1712.756958 3391.887451,1710.519043
	C3390.938477,1707.337402 3390.475098,1705.285767 3389.303955,1703.786743
	C3369.056885,1677.869507 3348.259521,1652.399292 3326.021484,1628.157471
	C3321.656006,1623.398682 3319.445557,1618.429810 3320.074951,1612.109375
	C3329.947754,1613.126221 3339.214111,1609.972046 3350.237305,1607.888428
	C3353.649658,1607.876587 3355.470947,1607.931030 3358.656982,1608.004883
z"/>
<path fill="#175CDC" opacity="1.000000" stroke="none"
	d="
M3268.056641,1474.160645
	C3268.052734,1477.782349 3267.987793,1479.526733 3266.448242,1482.604736
	C3259.108398,1484.368530 3255.342529,1480.797363 3251.196045,1477.336060
	C3238.096191,1466.400635 3224.674316,1455.851562 3211.431396,1445.086426
	C3202.761963,1438.039429 3194.626465,1430.235596 3185.450439,1423.938232
	C3175.312988,1416.980957 3166.143799,1407.452881 3152.235840,1406.241699
	C3149.501221,1396.428101 3149.535156,1387.283691 3144.239258,1378.203491
	C3143.344482,1372.062622 3142.774902,1367.444946 3141.562012,1363.003296
	C3134.869385,1338.493774 3123.801758,1315.835205 3112.766602,1293.049194
	C3098.964111,1264.548584 3079.368652,1240.270752 3058.511963,1217.174438
	C3037.433105,1193.832397 3010.991943,1177.372314 2982.859131,1162.921021
	C2952.003174,1147.070801 2919.081787,1139.983154 2885.520020,1136.730957
	C2863.334961,1134.581055 2840.709961,1135.297729 2818.013428,1139.027222
	C2785.607178,1144.351929 2754.629395,1153.390381 2724.680176,1166.111816
	C2708.892822,1172.817627 2692.828857,1179.675537 2678.819336,1192.301514
	C2674.494385,1193.929688 2671.343262,1195.059814 2666.633789,1195.960938
	C2654.959717,1193.045898 2645.582764,1187.927490 2634.641357,1187.843750
	C2627.518066,1187.789185 2620.437256,1185.595581 2613.286377,1185.107910
	C2596.919922,1183.991943 2581.070068,1178.068237 2564.390381,1179.995483
	C2554.238037,1181.168335 2545.006104,1177.014893 2535.574707,1174.421631
	C2533.912109,1173.964355 2533.155518,1170.212036 2531.980469,1167.981445
	C2547.419678,1149.686890 2564.209229,1132.904785 2582.994141,1117.877319
	C2599.074219,1105.013916 2615.223633,1092.412354 2632.445557,1081.096680
	C2681.268555,1049.017334 2734.508545,1027.085693 2790.969727,1013.231018
	C2829.849854,1003.690369 2869.864014,1000.993103 2909.589111,1004.553772
	C2955.971924,1008.711182 3001.299072,1019.340393 3042.736816,1041.644165
	C3076.697998,1059.923828 3108.080811,1081.785400 3135.807617,1109.258789
	C3186.984131,1159.968506 3222.065674,1220.030884 3244.358887,1287.947388
	C3254.066895,1317.522461 3259.721191,1348.014282 3264.655518,1378.832153
	C3269.658447,1410.079834 3266.674072,1441.161987 3268.056641,1474.160645
z"/>
<path fill="#1350C3" opacity="1.000000" stroke="none"
	d="
M2530.954834,1168.404053
	C2533.155518,1170.212036 2533.912109,1173.964355 2535.574707,1174.421631
	C2545.006104,1177.014893 2554.238037,1181.168335 2564.390381,1179.995483
	C2581.070068,1178.068237 2596.919922,1183.991943 2613.286377,1185.107910
	C2620.437256,1185.595581 2627.518066,1187.789185 2634.641357,1187.843750
	C2645.582764,1187.927490 2654.959717,1193.045898 2665.971680,1197.136475
	C2656.604492,1207.855835 2644.259033,1213.827148 2630.473145,1220.083496
	C2623.668701,1218.753174 2618.532715,1216.449829 2613.397217,1216.451172
	C2596.783203,1216.455322 2580.839844,1210.017578 2564.046143,1211.827759
	C2560.246826,1212.237305 2556.253174,1210.662476 2552.329834,1210.143921
	C2546.448242,1209.366333 2540.566162,1208.443237 2534.654053,1208.085571
	C2528.691162,1207.724976 2522.690674,1207.967285 2516.706787,1207.966675
	C2510.810059,1207.966064 2506.548828,1205.384033 2504.028320,1200.014038
	C2510.315918,1191.462769 2516.603760,1182.911377 2523.496582,1173.172119
	C2526.044189,1170.931641 2527.986816,1169.879272 2530.954834,1168.404053
z"/>
<path fill="#1148B0" opacity="1.000000" stroke="none"
	d="
M2502.952637,1200.762695
	C2506.548828,1205.384033 2510.810059,1207.966064 2516.706787,1207.966675
	C2522.690674,1207.967285 2528.691162,1207.724976 2534.654053,1208.085571
	C2540.566162,1208.443237 2546.448242,1209.366333 2552.329834,1210.143921
	C2556.253174,1210.662476 2560.246826,1212.237305 2564.046143,1211.827759
	C2580.839844,1210.017578 2596.783203,1216.455322 2613.397217,1216.451172
	C2618.532715,1216.449829 2623.668701,1218.753174 2629.904785,1221.197998
	C2627.311279,1226.883667 2623.617432,1231.372559 2619.923584,1235.861572
	C2616.515869,1237.394287 2612.738281,1238.422119 2609.789551,1240.581543
	C2605.693848,1243.581421 2602.219482,1247.430298 2595.666016,1251.278809
	C2586.482666,1250.427002 2580.145264,1248.982300 2573.731689,1248.075073
	C2569.213623,1247.435913 2564.181396,1248.614990 2560.099609,1247.073730
	C2550.526367,1243.459473 2540.735596,1244.601807 2530.989746,1243.882202
	C2515.422363,1242.732544 2499.898926,1240.938843 2484.387939,1239.148926
	C2482.718018,1238.956299 2481.253174,1236.984009 2479.693359,1235.837280
	C2480.795410,1232.671875 2481.897461,1229.506470 2483.522949,1225.179443
	C2492.965332,1218.872803 2495.634277,1208.776611 2502.952637,1200.762695
z"/>
<path fill="#134EBD" opacity="1.000000" stroke="none"
	d="
M3152.355957,1407.744263
	C3166.143799,1407.452881 3175.312988,1416.980957 3185.450439,1423.938232
	C3194.626465,1430.235596 3202.761963,1438.039429 3211.431396,1445.086426
	C3224.674316,1455.851562 3238.096191,1466.400635 3251.196045,1477.336060
	C3255.342529,1480.797363 3259.108398,1484.368530 3266.426514,1483.914062
	C3269.178467,1495.167725 3266.638428,1506.008179 3264.162109,1518.499512
	C3263.546631,1526.114014 3262.889648,1532.080200 3259.770020,1538.910889
	C3247.345947,1532.319092 3237.087891,1525.222778 3227.485596,1517.328857
	C3209.164551,1502.267212 3191.389648,1486.537476 3172.950195,1471.626343
	C3169.752686,1469.040649 3164.400879,1469.119141 3160.003174,1466.667358
	C3159.916992,1463.633911 3159.871582,1461.900391 3159.911621,1458.447510
	C3157.450195,1440.400146 3154.903076,1424.072266 3152.355957,1407.744263
z"/>
<path fill="#0A204E" opacity="1.000000" stroke="none"
	d="
M3156.180664,1555.930542
	C3156.137695,1560.202515 3156.094971,1564.474487 3156.008057,1572.037476
	C3153.714111,1589.569946 3151.523926,1603.821167 3149.189453,1618.048706
	C3147.965332,1625.508301 3150.028320,1629.795532 3157.193115,1631.403198
	C3167.434082,1633.701050 3177.515869,1636.766357 3188.347900,1636.149414
	C3200.219482,1635.473145 3212.155273,1635.920044 3224.062988,1635.877441
	C3228.640381,1636.005981 3232.281250,1637.862427 3235.348633,1644.494873
	C3235.309570,1655.700562 3230.470459,1663.425781 3232.652588,1672.426636
	C3234.487549,1679.995605 3234.852051,1687.911133 3236.094971,1695.636719
	C3236.922607,1700.779785 3238.231689,1705.843506 3239.180908,1710.969604
	C3241.447998,1723.214478 3248.293213,1725.055298 3259.610352,1723.298340
	C3265.410645,1722.397705 3271.191162,1720.046509 3276.911621,1720.253784
	C3286.362549,1720.596191 3295.115723,1718.179321 3304.019531,1715.965820
	C3308.288330,1715.969971 3312.557129,1715.974121 3318.415039,1717.448608
	C3319.968750,1721.908813 3319.933350,1724.898804 3318.497314,1728.459717
	C3310.090820,1730.098145 3303.085449,1731.165283 3294.475342,1732.167969
	C3283.418213,1733.606445 3273.945557,1734.998291 3264.531738,1736.713989
	C3262.804199,1737.028931 3261.316406,1738.659302 3258.347412,1739.740479
	C3250.843262,1739.659546 3246.467773,1742.295776 3242.605957,1747.843994
	C3237.935791,1745.618164 3234.244873,1744.005127 3231.552246,1741.371216
	C3226.893311,1736.812988 3221.560547,1735.547119 3214.494141,1734.955444
	C3211.706055,1722.661255 3209.639160,1711.635132 3208.051758,1700.540527
	C3206.479492,1689.549683 3207.267578,1678.194702 3203.640381,1668.090576
	C3196.875488,1663.626587 3190.044189,1665.155518 3183.605957,1664.894287
	C3159.027588,1663.897705 3135.265869,1658.808716 3111.899902,1650.014160
	C3112.356689,1642.893066 3109.187256,1638.973633 3105.430908,1635.365356
	C3102.063721,1632.130737 3099.921387,1628.397827 3101.960205,1623.614014
	C3112.214355,1624.739868 3120.853516,1625.797363 3130.447021,1626.971680
	C3132.386230,1620.043579 3134.079346,1613.994385 3135.909180,1606.345459
	C3138.270752,1595.305054 3141.246826,1585.969604 3140.621094,1574.689941
	C3142.200684,1567.583740 3143.229980,1561.839233 3145.747070,1556.063477
	C3150.217041,1555.998291 3153.198730,1555.964355 3156.180664,1555.930542
z"/>
<path fill="#10409F" opacity="1.000000" stroke="none"
	d="
M3160.043945,1467.967163
	C3164.400879,1469.119141 3169.752686,1469.040649 3172.950195,1471.626343
	C3191.389648,1486.537476 3209.164551,1502.267212 3227.485596,1517.328857
	C3237.087891,1525.222778 3247.345947,1532.319092 3258.707031,1539.957031
	C3261.053467,1557.652954 3256.309326,1573.961670 3249.637695,1591.487061
	C3246.240234,1589.671143 3243.026123,1588.788940 3240.991455,1586.736938
	C3220.024658,1565.592651 3196.235352,1547.694458 3173.811523,1528.234619
	C3171.067139,1525.853149 3166.703857,1525.336914 3161.609131,1522.051270
	C3160.099609,1502.753296 3160.071777,1485.360229 3160.043945,1467.967163
z"/>
<path fill="#10409F" opacity="1.000000" stroke="none"
	d="
M3318.526855,1612.242310
	C3319.445557,1618.429810 3321.656006,1623.398682 3326.021484,1628.157471
	C3348.259521,1652.399292 3369.056885,1677.869507 3389.303955,1703.786743
	C3390.475098,1705.285767 3390.938477,1707.337402 3390.052246,1710.578735
	C3374.962402,1711.970459 3361.551758,1711.915039 3348.141113,1711.859619
	C3344.520752,1699.432495 3335.257080,1690.776855 3327.245361,1681.435303
	C3314.843506,1666.974365 3301.826660,1653.039307 3288.993896,1638.950806
	C3284.919434,1634.477417 3282.113281,1629.534180 3281.285645,1622.268677
	C3293.351074,1618.924316 3305.165039,1615.649780 3318.526855,1612.242310
z"/>
<path fill="#0B2D73" opacity="1.000000" stroke="none"
	d="
M3303.875732,1714.583984
	C3295.115723,1718.179321 3286.362549,1720.596191 3276.911621,1720.253784
	C3271.191162,1720.046509 3265.410645,1722.397705 3259.610352,1723.298340
	C3248.293213,1725.055298 3241.447998,1723.214478 3239.180908,1710.969604
	C3238.231689,1705.843506 3236.922607,1700.779785 3236.094971,1695.636719
	C3234.852051,1687.911133 3234.487549,1679.995605 3232.652588,1672.426636
	C3230.470459,1663.425781 3235.309570,1655.700562 3235.916992,1645.641602
	C3239.489502,1645.545654 3243.918945,1646.203003 3246.368652,1648.758057
	C3259.979736,1662.955933 3275.947510,1674.949097 3286.560303,1691.997681
	C3291.368408,1699.722046 3300.941650,1703.735229 3303.875732,1714.583984
z"/>
<path fill="#0B2D73" opacity="1.000000" stroke="none"
	d="
M3223.906250,1634.511719
	C3212.155273,1635.920044 3200.219482,1635.473145 3188.347900,1636.149414
	C3177.515869,1636.766357 3167.434082,1633.701050 3157.193115,1631.403198
	C3150.028320,1629.795532 3147.965332,1625.508301 3149.189453,1618.048706
	C3151.523926,1603.821167 3153.714111,1589.569946 3156.028564,1573.639404
	C3157.392578,1572.154907 3158.988281,1571.942871 3159.948730,1572.625122
	C3183.582275,1589.412598 3205.169434,1608.429565 3223.210205,1631.255859
	C3223.585693,1631.731079 3223.578369,1632.509155 3223.906250,1634.511719
z"/>
<path fill="#0B2D73" opacity="1.000000" stroke="none"
	d="
M3346.455078,1711.913330
	C3361.551758,1711.915039 3374.962402,1711.970459 3390.208496,1711.966064
	C3399.095703,1712.756958 3406.138916,1713.690674 3413.202393,1714.433716
	C3419.635498,1715.110474 3426.090088,1715.579834 3434.258789,1716.090942
	C3437.662109,1716.132812 3439.342041,1716.224365 3442.419922,1717.776367
	C3443.849854,1723.132080 3443.881104,1727.027100 3442.329590,1730.960205
	C3430.020264,1728.076904 3419.107422,1727.602417 3406.288086,1728.214111
	C3392.324951,1727.949707 3380.162354,1727.986206 3366.231445,1727.874512
	C3355.021729,1727.939819 3345.580078,1728.153564 3334.519531,1728.245117
	C3328.566406,1728.044678 3324.232178,1727.966675 3319.898193,1727.888672
	C3319.933350,1724.898804 3319.968750,1721.908813 3320.015381,1717.421997
	C3322.941406,1714.633423 3325.764648,1712.582520 3328.790771,1712.218384
	C3334.051025,1711.585693 3339.436279,1711.994751 3346.455078,1711.913330
z"/>
<path fill="#0B2D73" opacity="1.000000" stroke="none"
	d="
M3160.003418,1466.667358
	C3160.071777,1485.360229 3160.099609,1502.753296 3160.155029,1521.985596
	C3159.600098,1533.785156 3159.017578,1543.745728 3157.307861,1554.818359
	C3153.198730,1555.964355 3150.217041,1555.998291 3145.638184,1554.537109
	C3143.941162,1549.988525 3143.841553,1546.934937 3143.870117,1542.275879
	C3144.840332,1532.350952 3145.682373,1524.031372 3146.870850,1514.119629
	C3146.931396,1504.228027 3149.838623,1495.633179 3144.882324,1486.027344
	C3145.041748,1476.162231 3145.243896,1468.032104 3146.886230,1459.947998
	C3152.159668,1460.051636 3155.992920,1460.109131 3159.826172,1460.166748
	C3159.871582,1461.900391 3159.916992,1463.633911 3160.003418,1466.667358
z"/>
<path fill="#175CDC" opacity="1.000000" stroke="none"
	d="
M3267.862061,3384.188232
	C3267.928711,3405.514648 3268.104736,3426.841064 3268.040283,3448.167236
	C3267.880127,3501.296631 3255.505371,3552.025391 3237.064209,3601.425781
	C3225.164062,3633.303223 3209.276123,3663.316650 3191.608643,3692.334229
	C3185.061768,3703.086426 3177.542236,3713.296631 3169.901123,3723.322998
	C3149.243408,3750.429443 3124.908691,3773.583984 3097.403564,3793.946777
	C3067.070801,3816.403320 3034.006592,3832.709473 2998.592773,3844.914307
	C2972.163574,3854.022461 2944.720459,3858.737061 2917.315430,3863.425537
	C2908.879395,3864.868652 2900.030029,3863.964844 2891.369629,3864.008545
	C2878.707275,3864.072021 2866.042969,3863.908691 2853.381836,3864.042480
	C2825.925293,3864.332275 2799.505127,3858.099854 2773.035156,3851.831543
	C2748.335449,3845.982178 2724.955811,3836.329834 2701.890625,3826.284180
	C2683.064941,3818.084473 2664.941162,3807.854736 2647.546875,3796.875977
	C2611.527832,3774.142334 2577.177002,3749.092773 2547.762207,3717.899658
	C2542.821533,3712.660156 2537.509033,3707.771240 2532.460449,3699.884033
	C2534.468018,3695.467285 2536.137939,3693.229980 2538.336914,3692.408691
	C2558.418457,3684.907471 2580.078369,3689.655518 2600.644043,3684.336426
	C2613.849609,3680.921143 2627.873779,3680.735352 2641.488037,3678.801025
	C2646.013672,3678.158203 2650.427246,3676.655518 2654.853027,3675.406494
	C2658.620605,3674.343018 2659.525635,3671.184326 2661.366699,3668.098389
	C2668.343750,3671.162842 2672.235352,3677.601318 2680.435791,3677.551758
	C2684.994141,3681.263428 2688.674316,3684.119629 2692.724121,3686.284180
	C2719.151123,3700.408936 2746.719971,3711.821533 2775.450684,3720.352051
	C2799.658447,3727.539307 2824.225830,3732.541992 2849.664551,3732.121094
	C2860.305664,3731.945068 2870.994629,3731.483887 2881.586182,3732.227295
	C2896.442871,3733.270020 2910.907227,3730.477295 2924.827637,3726.781250
	C2970.341553,3714.696777 3011.484619,3693.461670 3047.116943,3662.532227
	C3079.180664,3634.700195 3103.238037,3600.464600 3120.559570,3561.952637
	C3134.145752,3531.745605 3145.048096,3500.385986 3151.759766,3466.813965
	C3151.863525,3465.883789 3152.032227,3464.020020 3153.445312,3463.875000
	C3160.088867,3460.938232 3165.835449,3458.814941 3170.464355,3455.243164
	C3196.158447,3435.416504 3221.332764,3414.907471 3247.280762,3395.425537
	C3253.359375,3390.861816 3258.947266,3384.087158 3267.862061,3384.188232
z"/>
<path fill="#134EBD" opacity="1.000000" stroke="none"
	d="
M3267.913086,3382.498291
	C3258.947266,3384.087158 3253.359375,3390.861816 3247.280762,3395.425537
	C3221.332764,3414.907471 3196.158447,3435.416504 3170.464355,3455.243164
	C3165.835449,3458.814941 3160.088867,3460.938232 3153.413086,3462.214111
	C3155.726807,3440.670654 3159.792969,3420.684814 3161.612305,3399.998047
	C3173.746338,3394.615234 3182.301514,3386.521973 3191.546143,3379.189453
	C3207.983643,3366.150391 3225.017090,3353.906250 3239.505859,3338.574219
	C3245.087891,3332.667725 3251.953125,3328.986328 3260.093018,3327.882812
	C3261.294434,3330.056396 3263.131104,3332.105713 3263.584229,3334.425293
	C3265.289795,3343.153564 3266.544678,3351.969727 3268.003662,3362.350830
	C3268.014160,3369.568604 3267.989258,3375.188477 3267.913086,3382.498291
z"/>
<path fill="#1350C3" opacity="1.000000" stroke="none"
	d="
M2660.002686,3667.809326
	C2659.525635,3671.184326 2658.620605,3674.343018 2654.853027,3675.406494
	C2650.427246,3676.655518 2646.013672,3678.158203 2641.488037,3678.801025
	C2627.873779,3680.735352 2613.849609,3680.921143 2600.644043,3684.336426
	C2580.078369,3689.655518 2558.418457,3684.907471 2538.336914,3692.408691
	C2536.137939,3693.229980 2534.468018,3695.467285 2532.233398,3698.546875
	C2526.508057,3694.470215 2521.062256,3688.932129 2515.711914,3683.303223
	C2512.570801,3679.998779 2509.582520,3676.549316 2505.336914,3672.574951
	C2504.148438,3671.984863 2503.885498,3670.105957 2504.095459,3667.577637
	C2505.666504,3660.062988 2508.863281,3657.061035 2513.998779,3656.328857
	C2515.963379,3656.048096 2517.974609,3656.039795 2519.966309,3656.010254
	C2534.514893,3655.793701 2549.199707,3657.341553 2563.358154,3652.265869
	C2565.143555,3651.625977 2567.319824,3652.123291 2569.308838,3651.995850
	C2587.772217,3650.812500 2605.971924,3647.825195 2625.425293,3644.129639
	C2632.971924,3648.034912 2639.055176,3651.889160 2645.323242,3655.415527
	C2648.690918,3657.310059 2652.375488,3658.641357 2656.348145,3661.220947
	C2657.853516,3664.079590 2658.927979,3665.944580 2660.002686,3667.809326
z"/>
<path fill="#0A204E" opacity="1.000000" stroke="none"
	d="
M3304.008301,3152.044189
	C3302.230713,3152.037354 3300.453369,3152.030762 3296.216309,3150.857910
	C3280.278320,3145.943115 3265.945312,3149.871582 3252.447754,3144.613281
	C3247.218750,3142.575928 3241.843750,3146.799561 3240.735840,3152.744873
	C3238.921875,3162.483887 3234.910156,3171.757080 3235.815430,3182.131348
	C3236.682129,3192.058350 3236.081543,3202.113770 3236.125732,3212.112793
	C3235.853760,3218.770020 3237.414307,3225.980225 3227.491699,3231.285645
	C3214.966064,3231.927979 3205.484619,3231.929199 3195.046387,3230.916992
	C3185.827393,3230.744141 3177.500488,3231.200928 3169.325928,3232.567383
	C3164.267578,3233.412598 3159.320557,3235.352051 3154.543701,3237.330566
	C3149.801514,3239.294678 3147.320312,3243.687744 3148.466553,3248.405029
	C3150.408447,3256.396484 3150.030762,3265.214844 3155.822266,3273.752930
	C3155.928223,3282.326904 3156.007324,3289.188232 3156.086426,3296.049316
	C3156.086426,3296.049316 3156.055664,3298.036133 3154.504883,3299.024170
	C3149.874023,3300.052246 3146.793701,3300.092285 3142.942383,3299.591309
	C3141.242676,3298.153564 3140.598145,3297.084961 3140.266113,3294.141602
	C3140.216309,3278.374512 3137.889893,3264.757568 3131.925293,3250.358887
	C3128.310791,3241.351074 3121.299072,3244.782227 3116.036865,3242.294434
	C3119.363037,3235.581787 3122.341553,3230.092773 3125.655518,3224.814453
	C3128.090332,3220.936035 3126.961914,3217.702148 3126.081543,3213.585938
	C3149.558594,3208.072754 3171.656982,3203.825439 3194.238770,3202.509033
	C3198.521729,3202.259521 3202.705322,3200.306641 3207.933594,3198.864258
	C3207.933594,3191.990479 3207.505615,3186.028076 3208.010986,3180.146240
	C3209.763184,3159.752441 3211.865479,3139.391357 3220.883301,3120.048584
	C3228.005127,3120.367676 3232.016357,3117.451172 3236.200195,3114.066895
	C3239.555908,3111.352783 3243.937256,3109.907227 3247.958984,3108.970703
	C3248.130127,3110.755615 3248.205811,3111.468506 3248.192627,3113.861328
	C3248.352295,3120.620850 3246.545898,3126.171387 3251.819824,3130.553955
	C3263.636963,3132.269531 3275.864502,3134.044434 3289.528564,3135.913574
	C3295.611084,3136.361084 3300.573730,3135.636963 3304.060059,3141.384766
	C3304.028564,3145.952637 3304.018555,3148.998535 3304.008301,3152.044189
z"/>
<path fill="#1649A9" opacity="1.000000" stroke="none"
	d="
M3344.033203,3259.923828
	C3325.533203,3256.672852 3306.750977,3254.464844 3289.343994,3246.764404
	C3289.744385,3237.409668 3294.351318,3232.048584 3299.303955,3226.674072
	C3312.644043,3212.196289 3326.142090,3197.837402 3338.848145,3182.814209
	C3344.643311,3175.962646 3351.268799,3169.067139 3354.046875,3157.717041
	C3375.955322,3156.104736 3395.947510,3155.988525 3415.824707,3157.294434
	C3413.836914,3162.897705 3412.919189,3167.996094 3409.931641,3171.107422
	C3394.441406,3187.238525 3383.868896,3207.305420 3367.533447,3222.811768
	C3359.515625,3230.422852 3352.874512,3239.603760 3346.373779,3248.624023
	C3344.320312,3251.473145 3344.743652,3256.106934 3344.033203,3259.923828
z"/>
<path fill="#134EBD" opacity="1.000000" stroke="none"
	d="
M3345.577637,3259.968018
	C3344.743652,3256.106934 3344.320312,3251.473145 3346.373779,3248.624023
	C3352.874512,3239.603760 3359.515625,3230.422852 3367.533447,3222.811768
	C3383.868896,3207.305420 3394.441406,3187.238525 3409.931641,3171.107422
	C3412.919189,3167.996094 3413.836914,3162.897705 3417.086426,3157.233887
	C3420.146240,3155.729980 3421.829346,3155.708008 3425.208496,3155.804688
	C3440.695557,3153.371094 3454.486572,3150.818848 3468.175537,3149.723389
	C3467.101562,3154.266846 3466.855957,3157.886475 3465.044434,3160.358154
	C3447.589844,3184.173096 3431.145996,3208.757324 3411.330566,3230.793213
	C3405.197266,3237.614258 3399.469971,3244.899414 3394.413330,3252.539062
	C3392.450439,3255.504639 3392.856689,3260.038574 3392.183594,3263.858398
	C3385.276123,3263.897461 3378.368408,3263.936523 3369.735352,3263.987793
	C3361.047363,3262.670654 3354.084717,3261.341309 3345.577637,3259.968018
z"/>
<path fill="#10409F" opacity="1.000000" stroke="none"
	d="
M3260.088135,3326.186768
	C3251.953125,3328.986328 3245.087891,3332.667725 3239.505859,3338.574219
	C3225.017090,3353.906250 3207.983643,3366.150391 3191.546143,3379.189453
	C3182.301514,3386.521973 3173.746338,3394.615234 3161.521484,3398.621582
	C3160.006836,3395.616211 3159.963379,3393.782471 3159.944824,3390.161133
	C3159.978027,3377.582520 3159.986572,3366.791260 3160.026855,3354.516113
	C3160.098633,3350.068848 3160.138672,3347.104980 3160.178467,3344.141357
	C3164.512451,3342.940430 3169.544189,3342.749023 3173.040039,3340.334717
	C3181.120850,3334.753418 3188.684082,3328.350098 3196.048340,3321.818604
	C3211.302490,3308.289062 3226.256836,3294.422119 3241.433594,3280.804443
	C3243.233398,3279.189453 3245.652832,3278.264893 3249.350342,3276.106201
	C3253.578613,3293.054443 3261.688232,3307.542725 3260.088135,3326.186768
z"/>
<path fill="#0A2A6A" opacity="1.000000" stroke="none"
	d="
M3237.581055,3212.063721
	C3236.081543,3202.113770 3236.682129,3192.058350 3235.815430,3182.131348
	C3234.910156,3171.757080 3238.921875,3162.483887 3240.735840,3152.744873
	C3241.843750,3146.799561 3247.218750,3142.575928 3252.447754,3144.613281
	C3265.945312,3149.871582 3280.278320,3145.943115 3294.883057,3150.858887
	C3296.120605,3157.955811 3292.300049,3161.660400 3288.541748,3165.476074
	C3278.347412,3175.826416 3267.917480,3185.841553 3259.458740,3197.914551
	C3254.792480,3204.574219 3249.180176,3212.212402 3237.581055,3212.063721
z"/>
<path fill="#0B2D73" opacity="1.000000" stroke="none"
	d="
M3157.540527,3296.020508
	C3156.007324,3289.188232 3155.928223,3282.326904 3157.090820,3273.222168
	C3173.521484,3263.222168 3184.093994,3250.372314 3194.756348,3237.680908
	C3195.872314,3236.352539 3195.620361,3233.875000 3196.003174,3231.930664
	C3205.484619,3231.929199 3214.966064,3231.927979 3226.223877,3231.958496
	C3226.892334,3235.011475 3226.568115,3238.768555 3224.541504,3240.926514
	C3215.524658,3250.528809 3206.245361,3259.913574 3196.621826,3268.907227
	C3188.972656,3276.056396 3180.545410,3282.366699 3172.742188,3289.360596
	C3168.705811,3292.978027 3164.821045,3296.342529 3157.540527,3296.020508
z"/>
<path fill="#0A2A6A" opacity="1.000000" stroke="none"
	d="
M3423.512207,3155.686035
	C3421.829346,3155.708008 3420.146240,3155.729980 3417.201416,3155.812256
	C3395.947510,3155.988525 3375.955322,3156.104736 3354.127930,3156.263184
	C3336.972412,3155.663330 3321.652588,3155.021240 3305.170410,3153.211914
	C3304.018555,3148.998535 3304.028564,3145.952637 3305.804688,3141.360840
	C3315.732178,3139.851562 3323.893311,3139.888428 3333.731934,3140.042480
	C3341.171875,3140.916016 3346.915527,3141.909668 3352.701660,3142.365967
	C3359.107422,3142.870850 3365.551758,3142.884521 3373.715820,3143.303467
	C3383.329834,3143.527832 3391.222656,3143.852295 3399.077637,3143.447021
	C3402.125000,3143.289795 3405.087158,3141.482178 3409.662598,3140.483398
	C3415.438232,3140.576172 3419.639160,3140.612549 3423.884277,3142.158203
	C3423.789795,3147.673828 3423.650879,3151.679932 3423.512207,3155.686035
z"/>
<path fill="#0A2A6A" opacity="1.000000" stroke="none"
	d="
M3160.105469,3342.339844
	C3160.138672,3347.104980 3160.098633,3350.068848 3158.531738,3354.516113
	C3154.013184,3355.996582 3151.022217,3355.993408 3147.881348,3354.467773
	C3146.495605,3345.960205 3145.259521,3338.975098 3144.110352,3330.219238
	C3144.035889,3319.009766 3143.874756,3309.570801 3143.713623,3300.132080
	C3146.793701,3300.092285 3149.874023,3300.052246 3154.495117,3300.017578
	C3157.352539,3305.670898 3159.334717,3311.262207 3159.822998,3316.981201
	C3160.489014,3324.782715 3160.016846,3332.681396 3160.105469,3342.339844
z"/>
<path fill="#175CDC" opacity="1.000000" stroke="none"
	d="
M3394.039551,3263.881104
	C3392.856689,3260.038574 3392.450439,3255.504639 3394.413330,3252.539062
	C3399.469971,3244.899414 3405.197266,3237.614258 3411.330566,3230.793213
	C3431.145996,3208.757324 3447.589844,3184.173096 3465.044434,3160.358154
	C3466.855957,3157.886475 3467.101562,3154.266846 3469.736328,3149.627930
	C3503.090332,3140.488281 3533.666992,3129.900635 3563.653076,3116.963623
	C3592.043213,3104.715088 3617.791748,3088.589111 3640.894775,3068.600586
	C3669.797852,3043.593506 3692.508057,3013.659668 3708.954590,2978.689697
	C3726.184082,2942.054932 3737.034180,2904.370361 3736.136963,2863.649658
	C3735.887939,2852.338623 3736.076416,2841.018066 3735.986328,2829.702637
	C3735.954834,2825.714355 3736.169434,2821.640137 3735.456299,2817.754639
	C3730.660156,2791.619629 3724.257324,2765.812744 3714.222168,2741.228516
	C3702.950195,2713.613770 3692.079834,2685.638916 3673.358887,2661.764160
	C3672.258545,2660.360840 3672.442627,2657.950928 3672.029297,2656.009277
	C3677.055176,2652.122314 3678.937988,2646.652100 3679.885742,2640.655518
	C3681.005371,2633.574951 3682.546143,2626.548096 3683.370605,2619.436035
	C3685.100586,2604.510010 3686.429688,2589.537842 3688.020752,2574.594971
	C3689.541504,2560.313965 3691.019775,2546.024170 3692.943115,2531.795410
	C3693.248291,2529.538330 3695.798096,2527.584717 3698.672363,2524.720703
	C3720.784180,2541.685791 3740.488770,2560.442627 3757.254150,2582.104492
	C3763.344727,2589.974121 3769.479004,2597.815674 3775.796631,2605.502930
	C3792.784668,2626.173828 3806.110840,2649.395996 3817.882324,2673.037842
	C3834.129883,2705.669678 3847.762939,2739.588867 3856.268555,2775.427734
	C3860.868896,2794.810791 3863.339111,2814.498779 3867.443359,2833.919922
	C3868.257080,2837.770264 3867.930908,2841.882812 3867.951172,2845.875244
	C3868.021729,2859.867920 3867.984375,2873.860840 3868.039551,2887.853760
	C3868.196045,2927.497559 3859.774170,2965.603516 3846.355957,3002.595947
	C3835.433350,3032.708740 3821.116211,3061.342773 3801.967041,3087.111084
	C3784.589355,3110.495361 3766.773682,3133.302979 3743.456787,3151.861572
	C3727.342773,3164.686768 3711.548828,3177.720215 3694.311279,3189.069092
	C3670.334717,3204.854980 3644.993408,3217.568359 3618.309814,3228.272705
	C3589.793701,3239.712158 3560.270020,3247.157471 3530.610840,3254.262207
	C3517.801025,3257.330811 3504.323486,3257.522705 3491.394531,3260.204102
	C3459.714600,3266.774902 3427.735596,3263.035156 3394.039551,3263.881104
z"/>
<path fill="#175CDC" opacity="1.000000" stroke="none"
	d="
M1179.928345,2348.156006
	C1179.928345,2348.156006 1177.963135,2347.966309 1176.983276,2347.842285
	C1164.075684,2335.245850 1152.426514,2322.491943 1140.150391,2310.372559
	C1124.488770,2294.910400 1111.447021,2277.370850 1098.243286,2259.903320
	C1076.051025,2230.545166 1059.523560,2197.887939 1044.651489,2164.565918
	C1031.428589,2134.938965 1022.782715,2103.650879 1015.442993,2071.869629
	C1006.640381,2033.753662 1006.654785,1995.347778 1008.533203,1956.994507
	C1009.890137,1929.290039 1016.642090,1901.997559 1026.303833,1875.771851
	C1042.286743,1832.387695 1065.134644,1792.598145 1094.323730,1757.021484
	C1114.080200,1732.941650 1136.813232,1711.295898 1162.301880,1692.842896
	C1210.842285,1657.700684 1264.689819,1634.340454 1322.671753,1620.244873
	C1341.932861,1615.562500 1361.367432,1611.223511 1380.961670,1608.367432
	C1411.201416,1603.959839 1441.734375,1602.932129 1472.306152,1604.022461
	C1476.295166,1604.164795 1480.292847,1604.060669 1486.164429,1604.001099
	C1488.042358,1603.931641 1487.993408,1604.001831 1487.971680,1605.494873
	C1486.636841,1610.604614 1486.061279,1614.760986 1483.879517,1617.742065
	C1475.741455,1628.861328 1467.119385,1639.628540 1458.599487,1650.465454
	C1447.233887,1664.921631 1435.453613,1679.067871 1424.525635,1693.845459
	C1418.804199,1701.582275 1411.042236,1708.709229 1410.401611,1719.899170
	C1403.346436,1721.421265 1397.742065,1722.836670 1390.624268,1724.330322
	C1380.890869,1727.056274 1372.651978,1729.646606 1364.454712,1732.361938
	C1332.845337,1742.831665 1301.787598,1754.540405 1273.781372,1773.045044
	C1246.026489,1791.383301 1220.047363,1811.189941 1199.168335,1838.030884
	C1165.438843,1881.392212 1147.001343,1930.519531 1140.708862,1984.050415
	C1137.233032,2013.619873 1138.296875,2043.938110 1145.252563,2073.291260
	C1153.709839,2108.980713 1166.491455,2143.200684 1183.972656,2175.529541
	C1185.780029,2178.871826 1189.130371,2181.379639 1191.982422,2185.641602
	C1196.169434,2195.312988 1200.138916,2203.617188 1203.449707,2213.397217
	C1200.534790,2227.841553 1198.333130,2240.819824 1195.999390,2253.774658
	C1194.827393,2260.279541 1191.897095,2266.860596 1192.394897,2273.200439
	C1193.922974,2292.660156 1187.568970,2311.347412 1187.898315,2330.621338
	C1188.016479,2337.544678 1185.416138,2343.598145 1179.928345,2348.156006
z"/>
<path fill="#134EBD" opacity="1.000000" stroke="none"
	d="
M1180.531006,2349.352051
	C1185.416138,2343.598145 1188.016479,2337.544678 1187.898315,2330.621338
	C1187.568970,2311.347412 1193.922974,2292.660156 1192.394897,2273.200439
	C1191.897095,2266.860596 1194.827393,2260.279541 1195.999390,2253.774658
	C1198.333130,2240.819824 1200.534790,2227.841553 1204.650146,2214.017578
	C1213.575806,2223.284180 1220.920044,2233.227295 1227.610107,2243.592529
	C1231.955933,2250.325439 1236.994751,2256.051514 1244.176758,2261.299072
	C1245.948120,2265.663330 1247.504639,2268.750977 1247.747192,2272.724609
	C1244.326904,2281.159668 1240.212524,2288.783447 1240.490479,2296.244141
	C1241.329590,2318.770996 1233.656372,2340.579346 1235.910400,2363.129639
	C1236.733521,2371.364258 1234.342285,2378.822021 1227.780640,2384.465332
	C1226.078247,2384.320312 1224.375977,2384.175293 1221.397827,2383.928223
	C1217.005249,2377.547119 1211.291870,2374.281982 1205.707153,2370.539062
	C1196.938354,2364.662354 1187.318604,2359.660889 1180.531006,2349.352051
z"/>
<path fill="#134EBD" opacity="1.000000" stroke="none"
	d="
M1411.852661,1719.792480
	C1411.042236,1708.709229 1418.804199,1701.582275 1424.525635,1693.845459
	C1435.453613,1679.067871 1447.233887,1664.921631 1458.599487,1650.465454
	C1467.119385,1639.628540 1475.741455,1628.861328 1483.879517,1617.742065
	C1486.061279,1614.760986 1486.636841,1610.604614 1487.948608,1605.525146
	C1507.400146,1602.965576 1525.924072,1608.561890 1546.405640,1611.931885
	C1548.056274,1611.917603 1548.014648,1611.979736 1547.986084,1613.459106
	C1547.411499,1617.490356 1547.616211,1620.609253 1546.190918,1622.497437
	C1539.461060,1631.411255 1532.414673,1640.096802 1525.241943,1648.663330
	C1509.625122,1667.314819 1493.795410,1685.788696 1478.265503,1704.511841
	C1476.736328,1706.355469 1476.681641,1709.422119 1474.474854,1711.968628
	C1470.074951,1712.114258 1467.142700,1712.212524 1462.528320,1712.207764
	C1457.048950,1712.545898 1453.227905,1712.839478 1449.459473,1713.455200
	C1436.913696,1715.505249 1424.386841,1717.671021 1411.852661,1719.792480
z"/>
<path fill="#0D3585" opacity="1.000000" stroke="none"
	d="
M1595.838623,1620.118042
	C1601.967773,1622.356567 1607.981323,1625.013306 1614.250122,1626.746826
	C1627.450195,1630.396606 1634.319946,1623.072266 1630.517212,1609.536133
	C1628.754272,1603.260742 1626.423584,1597.144775 1625.663086,1589.455322
	C1631.917114,1588.220337 1635.691162,1586.024780 1639.260864,1582.763062
	C1652.788208,1570.403809 1666.361450,1558.090210 1680.134277,1546.006470
	C1687.499268,1539.544678 1695.004761,1533.148315 1703.055542,1527.606812
	C1706.536377,1525.211060 1711.555664,1525.050659 1715.926025,1525.629517
	C1716.097656,1534.376099 1716.219604,1541.367920 1716.458984,1549.771851
	C1717.699829,1556.778564 1718.823242,1562.373291 1718.489990,1567.993896
	C1713.920410,1568.944580 1710.084229,1569.014160 1707.813599,1570.934692
	C1694.691772,1582.033203 1681.399780,1593.020142 1669.166382,1605.061646
	C1636.574341,1637.142700 1603.811523,1669.085083 1574.039917,1703.898682
	C1570.946899,1707.515625 1567.952393,1710.921265 1566.390747,1715.999268
	C1560.525879,1715.988647 1556.260498,1715.964233 1550.942139,1714.810303
	C1542.547119,1713.075317 1535.204956,1712.469971 1528.045410,1710.464600
	C1531.032959,1703.864990 1533.034546,1697.977295 1536.790039,1693.591675
	C1549.247559,1679.043335 1562.649170,1665.302124 1575.071045,1650.724854
	C1583.064941,1641.344116 1592.651001,1632.839722 1595.838623,1620.118042
z"/>
<path fill="#10409F" opacity="1.000000" stroke="none"
	d="
M1594.250488,1620.065918
	C1592.651001,1632.839722 1583.064941,1641.344116 1575.071045,1650.724854
	C1562.649170,1665.302124 1549.247559,1679.043335 1536.790039,1693.591675
	C1533.034546,1697.977295 1531.032959,1703.864990 1526.207764,1710.484863
	C1508.105835,1711.910400 1492.024292,1711.915771 1475.942627,1711.921143
	C1476.681641,1709.422119 1476.736328,1706.355469 1478.265503,1704.511841
	C1493.795410,1685.788696 1509.625122,1667.314819 1525.241943,1648.663330
	C1532.414673,1640.096802 1539.461060,1631.411255 1546.190918,1622.497437
	C1547.616211,1620.609253 1547.411499,1617.490356 1547.973877,1613.474365
	C1563.656860,1610.347046 1577.695923,1617.768188 1594.250488,1620.065918
z"/>
<path fill="#10409F" opacity="1.000000" stroke="none"
	d="
M1715.876221,1523.874878
	C1711.555664,1525.050659 1706.536377,1525.211060 1703.055542,1527.606812
	C1695.004761,1533.148315 1687.499268,1539.544678 1680.134277,1546.006470
	C1666.361450,1558.090210 1652.788208,1570.403809 1639.260864,1582.763062
	C1635.691162,1586.024780 1631.917114,1588.220337 1625.518188,1587.931152
	C1621.379639,1575.669678 1618.698486,1563.431274 1616.013672,1549.593994
	C1627.904541,1548.858643 1636.374634,1541.283936 1643.366089,1534.049683
	C1661.389526,1515.400757 1683.285767,1501.540039 1702.287964,1484.177124
	C1704.927979,1481.764893 1709.401978,1481.359741 1714.534058,1481.834351
	C1715.986084,1497.053711 1715.931152,1510.464355 1715.876221,1523.874878
z"/>
<path fill="#175CDC" opacity="1.000000" stroke="none"
	d="
M2344.169922,3700.061768
	C2326.354004,3720.728027 2307.104736,3739.836670 2286.092773,3757.368896
	C2265.050293,3774.926025 2242.312744,3789.760010 2218.672852,3803.290527
	C2205.439941,3810.864258 2191.595703,3817.411621 2177.805664,3823.955078
	C2168.217285,3828.504639 2158.406494,3832.687744 2148.426758,3836.291748
	C2116.536377,3847.808350 2083.729736,3855.226074 2050.215576,3860.852783
	C2021.568359,3865.663330 1992.920166,3865.490967 1964.718994,3863.175293
	C1916.901489,3859.248779 1870.583984,3847.217773 1827.958008,3823.927246
	C1799.907837,3808.601074 1773.742920,3790.888428 1750.085815,3768.936523
	C1726.112793,3746.691406 1704.174683,3722.885254 1686.528198,3695.617432
	C1657.802124,3651.229736 1637.094238,3603.048828 1624.639893,3551.569824
	C1619.817383,3531.636230 1615.251953,3511.536621 1612.396729,3491.255371
	C1608.322876,3462.318115 1606.626831,3433.111572 1609.593506,3401.916016
	C1617.316895,3399.604980 1622.441406,3401.242676 1627.543335,3405.338867
	C1652.743896,3425.571289 1678.252686,3445.422119 1703.787964,3465.233154
	C1709.638916,3469.772705 1716.335205,3472.669434 1725.139038,3472.957031
	C1731.776611,3497.961914 1738.994507,3521.424805 1748.584717,3544.083008
	C1765.597290,3584.278564 1789.372437,3620.238770 1818.813354,3652.308105
	C1827.735229,3662.026123 1838.220703,3670.504150 1848.819336,3678.443115
	C1866.382080,3691.598389 1884.675049,3703.879395 1905.353760,3711.717529
	C1942.328003,3725.733154 1980.378662,3732.890381 2020.256470,3732.437256
	C2053.229004,3732.062256 2084.968994,3726.867432 2115.955322,3716.393311
	C2129.149170,3711.933594 2141.648682,3705.405029 2154.864746,3701.028564
	C2171.546143,3695.504395 2185.029297,3684.305664 2200.574463,3676.845703
	C2202.151123,3676.089111 2202.973633,3673.761230 2205.455811,3672.062012
	C2208.507080,3671.761719 2210.248779,3671.561768 2212.823975,3672.654785
	C2217.798584,3675.871094 2221.836670,3679.120361 2226.101074,3679.450684
	C2235.973633,3680.216797 2245.595703,3682.089355 2255.334961,3683.497559
	C2280.631348,3687.155273 2306.136963,3689.403564 2331.585205,3691.951904
	C2337.422119,3692.536133 2341.576172,3694.869629 2344.169922,3700.061768
z"/>
<path fill="#1350C3" opacity="1.000000" stroke="none"
	d="
M2345.351318,3699.458496
	C2341.576172,3694.869629 2337.422119,3692.536133 2331.585205,3691.951904
	C2306.136963,3689.403564 2280.631348,3687.155273 2255.334961,3683.497559
	C2245.595703,3682.089355 2235.973633,3680.216797 2226.101074,3679.450684
	C2221.836670,3679.120361 2217.798584,3675.871094 2213.435059,3671.518066
	C2224.097412,3659.729980 2234.729980,3650.019775 2249.465332,3644.658203
	C2271.311279,3653.192627 2293.212646,3652.418945 2314.399414,3655.739502
	C2331.765381,3658.461670 2349.500244,3658.776611 2367.037598,3660.505371
	C2370.171387,3660.814697 2373.138184,3662.816406 2376.182129,3664.036377
	C2375.072266,3666.002197 2373.962646,3667.968018 2372.377930,3670.962891
	C2368.155518,3675.558350 2364.229248,3678.958496 2360.703857,3682.732910
	C2355.822266,3687.959473 2351.241943,3693.467773 2345.351318,3699.458496
z"/>
<path fill="#1350C3" opacity="1.000000" stroke="none"
	d="
M1724.078735,3471.916016
	C1716.335205,3472.669434 1709.638916,3469.772705 1703.787964,3465.233154
	C1678.252686,3445.422119 1652.743896,3425.571289 1627.543335,3405.338867
	C1622.441406,3401.242676 1617.316895,3399.604980 1609.612793,3400.050293
	C1608.038696,3398.272949 1607.990479,3396.450684 1607.883057,3393.261719
	C1607.074463,3380.757812 1609.188232,3369.981689 1613.443848,3357.656738
	C1618.592651,3357.360107 1622.905518,3357.862793 1625.755127,3360.171631
	C1636.558350,3368.924805 1646.689819,3378.504150 1657.442139,3387.323975
	C1672.286377,3399.500488 1687.171387,3411.671631 1702.667480,3422.984375
	C1707.772827,3426.710938 1712.542480,3432.319580 1720.092285,3433.261230
	C1720.229248,3436.206787 1720.283203,3437.890869 1720.238281,3441.224121
	C1721.452637,3452.554199 1722.765747,3462.235107 1724.078735,3471.916016
z"/>
<path fill="#1148B0" opacity="1.000000" stroke="none"
	d="
M1720.009277,3432.000000
	C1712.542480,3432.319580 1707.772827,3426.710938 1702.667480,3422.984375
	C1687.171387,3411.671631 1672.286377,3399.500488 1657.442139,3387.323975
	C1646.689819,3378.504150 1636.558350,3368.924805 1625.755127,3360.171631
	C1622.905518,3357.862793 1618.592651,3357.360107 1613.492310,3356.028564
	C1611.999512,3355.321289 1611.966064,3354.613281 1611.843262,3352.843262
	C1612.062256,3342.120361 1611.189209,3332.297607 1617.392578,3321.610352
	C1627.092773,3319.013428 1632.710449,3322.797119 1638.336426,3328.108154
	C1650.302856,3339.405273 1662.820801,3350.125977 1675.280762,3360.888672
	C1681.246216,3366.041016 1687.311035,3371.173828 1693.846069,3375.545166
	C1700.851929,3380.230469 1706.817505,3386.946533 1715.938477,3389.775146
	C1716.560059,3397.943359 1717.066895,3404.398682 1717.708008,3410.840820
	C1718.410400,3417.900146 1719.236938,3424.947510 1720.009277,3432.000000
z"/>
<path fill="#0A204E" opacity="1.000000" stroke="none"
	d="
M2544.033936,3555.949951
	C2542.085693,3553.605225 2540.137695,3551.260498 2536.981934,3547.025391
	C2527.787354,3534.710205 2519.816650,3524.272461 2511.786621,3513.880859
	C2510.989990,3512.849609 2509.855713,3512.068604 2508.837158,3511.220947
	C2504.765869,3507.831787 2500.304688,3507.328613 2496.086670,3510.517334
	C2487.657959,3516.889648 2480.013184,3524.494873 2471.012939,3529.859619
	C2461.895508,3535.293945 2455.947510,3542.534180 2451.934570,3551.915771
	C2445.043213,3556.096924 2438.011475,3557.878174 2428.736816,3551.369629
	C2414.953125,3535.473877 2401.264404,3523.312012 2386.332031,3512.499756
	C2377.089844,3505.807861 2369.703125,3506.572021 2362.661377,3515.909668
	C2354.788086,3526.349609 2347.477783,3537.213867 2339.922363,3547.893555
	C2337.584961,3549.870361 2335.247314,3551.846924 2331.069824,3554.904785
	C2325.450928,3556.013916 2321.922119,3555.479980 2320.030762,3550.484375
	C2323.026123,3544.821533 2325.791260,3540.459961 2329.705078,3535.456543
	C2336.670410,3525.943848 2342.486816,3517.073242 2349.471191,3507.512695
	C2357.176758,3496.638672 2357.060547,3494.728516 2349.989258,3488.989502
	C2346.504883,3486.161621 2343.211914,3483.097656 2341.381348,3480.071777
	C2349.980957,3478.348145 2357.147949,3477.047119 2364.005859,3474.802246
	C2365.832275,3474.204102 2366.711914,3470.713379 2369.364746,3468.762695
	C2382.199707,3476.656494 2393.974121,3483.958984 2405.114990,3492.125732
	C2416.684570,3500.606201 2427.641113,3509.922119 2439.431885,3519.324707
	C2444.059814,3515.465820 2447.863770,3511.939697 2452.020264,3508.895020
	C2463.622803,3500.396484 2475.371338,3492.097168 2488.763184,3483.804443
	C2501.532471,3487.066406 2512.797119,3488.710205 2524.226562,3489.688721
	C2524.051270,3494.085938 2523.983643,3497.018555 2524.077637,3501.368896
	C2531.591797,3514.667236 2538.854492,3526.605713 2546.424072,3538.346436
	C2547.259033,3539.641846 2549.850586,3539.804443 2552.169678,3541.577637
	C2553.912598,3545.617188 2555.113525,3548.571045 2555.489746,3552.636230
	C2551.121338,3554.481445 2547.577637,3555.215576 2544.033936,3555.949951
z"/>
<path fill="#1148B0" opacity="1.000000" stroke="none"
	d="
M2377.373047,3663.416748
	C2373.138184,3662.816406 2370.171387,3660.814697 2367.037598,3660.505371
	C2349.500244,3658.776611 2331.765381,3658.461670 2314.399414,3655.739502
	C2293.212646,3652.418945 2271.311279,3653.192627 2250.039307,3643.479492
	C2254.699463,3634.985107 2264.605469,3633.010742 2269.181641,3623.539307
	C2274.895508,3619.332275 2279.482178,3615.691650 2285.492188,3612.678711
	C2301.317627,3618.948242 2316.268555,3620.769775 2331.657471,3620.092529
	C2336.936035,3619.860352 2342.688232,3619.201172 2347.457764,3620.895264
	C2357.844727,3624.583984 2368.364014,3624.069824 2378.926514,3623.953125
	C2386.318848,3623.871582 2393.514404,3624.174072 2400.102051,3628.003906
	C2393.931885,3640.226318 2388.020996,3652.609131 2377.373047,3663.416748
z"/>
<path fill="#1144A8" opacity="1.000000" stroke="none"
	d="
M2624.038818,3643.941895
	C2605.971924,3647.825195 2587.772217,3650.812500 2569.308838,3651.995850
	C2567.319824,3652.123291 2565.143555,3651.625977 2563.358154,3652.265869
	C2549.199707,3657.341553 2534.514893,3655.793701 2519.966309,3656.010254
	C2517.974609,3656.039795 2515.963379,3656.048096 2513.998779,3656.328857
	C2508.863281,3657.061035 2505.666504,3660.062988 2504.006348,3666.633057
	C2500.360596,3665.154297 2496.301270,3662.578857 2493.807129,3658.932617
	C2487.572266,3649.817871 2482.047363,3640.217041 2477.592773,3628.760986
	C2482.733643,3625.815430 2486.562744,3623.998535 2490.297363,3624.176025
	C2513.309326,3625.268555 2535.683350,3618.092773 2558.824707,3619.518555
	C2567.584717,3620.058350 2576.636230,3616.213379 2585.507080,3614.158936
	C2586.555420,3613.916016 2587.298340,3612.353271 2589.371094,3612.088379
	C2596.354980,3615.348633 2602.150879,3617.923096 2608.081055,3621.792969
	C2610.289062,3626.179932 2612.211914,3629.387939 2614.474609,3632.334717
	C2617.525879,3636.308838 2620.838623,3640.082275 2624.038818,3643.941895
z"/>
<path fill="#103F9A" opacity="1.000000" stroke="none"
	d="
M2401.316162,3627.382812
	C2393.514404,3624.174072 2386.318848,3623.871582 2378.926514,3623.953125
	C2368.364014,3624.069824 2357.844727,3624.583984 2347.457764,3620.895264
	C2342.688232,3619.201172 2336.936035,3619.860352 2331.657471,3620.092529
	C2316.268555,3620.769775 2301.317627,3618.948242 2286.031738,3611.470703
	C2294.097656,3601.083496 2303.047363,3592.531982 2311.997070,3583.980469
	C2329.435547,3589.115723 2347.358398,3587.843750 2365.174561,3588.035400
	C2368.482422,3588.070801 2372.125244,3587.536133 2375.032715,3588.706787
	C2385.270264,3592.828613 2395.894775,3591.699463 2406.444824,3592.072510
	C2410.276123,3592.208252 2414.082764,3593.036133 2418.549072,3593.635010
	C2419.608398,3608.456787 2409.511719,3616.874512 2401.316162,3627.382812
z"/>
<path fill="#103F9A" opacity="1.000000" stroke="none"
	d="
M2588.183105,3611.402344
	C2587.298340,3612.353271 2586.555420,3613.916016 2585.507080,3614.158936
	C2576.636230,3616.213379 2567.584717,3620.058350 2558.824707,3619.518555
	C2535.683350,3618.092773 2513.309326,3625.268555 2490.297363,3624.176025
	C2486.562744,3623.998535 2482.733643,3625.815430 2477.421387,3627.363525
	C2465.638916,3621.709473 2464.059814,3609.438232 2457.265869,3600.706299
	C2454.824463,3597.568359 2458.231689,3592.291992 2462.696777,3592.468262
	C2483.827637,3593.302490 2504.362793,3585.383545 2525.520264,3588.111328
	C2537.698975,3589.681396 2548.807373,3584.176758 2563.533691,3584.562012
	C2572.020508,3590.511963 2577.912354,3595.611084 2583.078125,3601.362305
	C2585.501465,3604.060547 2586.524902,3608.016357 2588.183105,3611.402344
z"/>
<path fill="#0A2A6A" opacity="1.000000" stroke="none"
	d="
M2341.645020,3547.938477
	C2347.477783,3537.213867 2354.788086,3526.349609 2362.661377,3515.909668
	C2369.703125,3506.572021 2377.089844,3505.807861 2386.332031,3512.499756
	C2401.264404,3523.312012 2414.953125,3535.473877 2427.446289,3550.776855
	C2418.772705,3551.986572 2409.527588,3552.029053 2400.282715,3551.991455
	C2381.223877,3551.913818 2362.075439,3553.066650 2341.645020,3547.938477
z"/>
<path fill="#0A2A6A" opacity="1.000000" stroke="none"
	d="
M2453.810059,3551.945557
	C2455.947510,3542.534180 2461.895508,3535.293945 2471.012939,3529.859619
	C2480.013184,3524.494873 2487.657959,3516.889648 2496.086670,3510.517334
	C2500.304688,3507.328613 2504.765869,3507.831787 2508.837158,3511.220947
	C2509.855713,3512.068604 2510.989990,3512.849609 2511.786621,3513.880859
	C2519.816650,3524.272461 2527.787354,3534.710205 2535.938965,3546.513672
	C2528.978027,3548.739502 2521.857178,3549.623535 2514.726562,3550.421631
	C2509.531250,3551.003174 2504.328369,3551.845459 2499.119873,3551.917969
	C2484.644287,3552.119629 2470.163818,3551.979980 2453.810059,3551.945557
z"/>
<path fill="#0B2D73" opacity="1.000000" stroke="none"
	d="
M2312.569824,3582.788574
	C2303.047363,3592.531982 2294.097656,3601.083496 2284.608398,3610.843262
	C2279.482178,3615.691650 2274.895508,3619.332275 2267.863770,3623.325684
	C2261.103027,3622.743896 2260.233887,3619.375244 2260.437744,3614.511719
	C2266.905518,3607.301025 2273.903076,3602.024170 2275.459717,3592.708496
	C2288.129150,3589.924805 2293.558838,3580.414307 2301.130859,3571.398926
	C2308.138916,3564.480469 2313.969727,3558.133301 2319.800537,3551.785889
	C2321.922119,3555.479980 2325.450928,3556.013916 2330.610107,3555.978271
	C2328.535400,3566.592529 2320.001465,3573.478760 2312.569824,3582.788574
z"/>
<path fill="#0A2A6A" opacity="1.000000" stroke="none"
	d="
M2589.371094,3612.088135
	C2586.524902,3608.016357 2585.501465,3604.060547 2583.078125,3601.362305
	C2577.912354,3595.611084 2572.020508,3590.511963 2565.252930,3584.522949
	C2562.126221,3580.035645 2560.699219,3575.763184 2558.095215,3572.403320
	C2554.210693,3567.390381 2549.496582,3563.020752 2544.584717,3557.163574
	C2547.577637,3555.215576 2551.121338,3554.481445 2556.580078,3553.261230
	C2562.854980,3556.682861 2567.215088,3560.590088 2572.199951,3565.659180
	C2578.752686,3576.867432 2586.075928,3585.641357 2596.496338,3593.262207
	C2602.161621,3600.105225 2607.241455,3605.809326 2611.820312,3612.655518
	C2610.195557,3616.030762 2609.071289,3618.264160 2607.946777,3620.497559
	C2602.150879,3617.923096 2596.354980,3615.348633 2589.371094,3612.088135
z"/>
<path fill="#174BAC" opacity="1.000000" stroke="none"
	d="
M1728.048462,1392.018188
	C1731.203125,1379.196411 1733.564453,1366.114990 1737.660156,1353.601196
	C1750.355713,1314.811890 1768.645142,1278.676636 1793.381958,1246.214111
	C1802.991455,1233.603638 1815.212158,1222.972778 1826.328735,1211.523071
	C1845.952515,1191.311401 1868.439697,1175.124878 1893.947021,1163.049805
	C1918.677979,1151.342407 1944.543823,1144.221191 1971.516357,1139.317261
	C1993.453003,1135.328735 2015.184692,1136.110840 2037.010132,1136.303711
	C2048.823242,1136.407959 2060.889648,1138.094238 2072.355957,1140.990234
	C2097.388672,1147.312744 2122.795898,1152.630005 2146.054932,1164.742432
	C2156.629395,1170.249146 2167.868164,1174.468384 2178.674072,1179.550537
	C2181.601074,1180.927124 2184.050049,1183.320679 2187.363281,1188.075195
	C2187.912109,1194.151001 2187.815430,1197.398926 2186.401367,1200.404297
	C2180.296143,1198.320435 2175.508057,1196.479370 2169.649414,1193.646240
	C2145.114258,1178.359253 2119.449951,1169.429443 2093.163086,1162.193726
	C2052.334473,1150.954956 2011.058472,1148.044800 1969.050415,1155.091797
	C1916.956543,1163.830811 1872.454224,1187.115967 1834.490234,1223.383423
	C1800.746094,1255.619507 1777.359131,1294.708496 1760.052246,1337.651001
	C1756.610718,1346.190430 1754.421387,1355.234497 1750.884766,1365.292969
	C1747.792969,1376.283325 1745.470947,1386.026978 1742.376709,1395.832153
	C1741.604614,1395.893799 1740.087036,1396.204224 1739.270752,1395.129272
	C1734.985840,1393.375610 1731.517090,1392.696899 1728.048462,1392.018188
z"/>
<path fill="#123E92" opacity="1.000000" stroke="none"
	d="
M2187.718750,1200.646973
	C2187.815430,1197.398926 2187.912109,1194.151001 2188.026611,1189.268921
	C2192.836914,1189.725342 2197.629395,1191.815918 2203.582520,1195.870117
	C2205.557617,1198.992188 2206.670654,1199.627075 2208.082275,1199.738281
	C2209.843994,1199.852295 2211.605713,1199.966309 2214.684082,1200.233398
	C2223.069092,1208.558228 2231.904053,1214.438721 2242.513672,1219.964966
	C2246.267822,1223.332886 2248.661133,1226.518433 2250.452148,1231.345703
	C2247.820068,1235.508423 2245.790039,1238.029175 2242.573242,1239.957275
	C2234.947510,1235.267334 2228.508545,1231.169922 2221.175293,1226.006470
	C2210.686035,1216.213501 2200.654785,1208.134399 2188.191895,1202.735107
	C2188.034424,1202.039062 2187.718750,1200.646973 2187.718750,1200.646973
z"/>
<path fill="#123E92" opacity="1.000000" stroke="none"
	d="
M1727.647095,1392.894897
	C1731.517090,1392.696899 1734.985840,1393.375610 1739.269775,1396.691895
	C1738.957764,1407.511963 1737.830566,1415.694214 1736.343994,1425.470215
	C1734.918701,1436.648926 1733.852661,1446.234131 1732.453735,1457.213867
	C1731.722656,1460.475220 1731.324585,1462.341919 1729.460815,1464.151611
	C1724.105957,1464.150635 1720.216675,1464.206787 1716.327393,1464.262939
	C1717.552734,1454.606689 1718.778076,1444.950562 1719.983154,1433.633545
	C1721.411255,1421.207031 1722.859497,1410.441162 1724.383179,1398.026123
	C1725.628052,1395.765625 1726.557129,1394.897095 1727.647095,1392.894897
z"/>
<path fill="#1350C3" opacity="1.000000" stroke="none"
	d="
M2207.602295,1198.913330
	C2206.670654,1199.627075 2205.557617,1198.992188 2204.353760,1196.924927
	C2205.231445,1196.380127 2206.283936,1197.070801 2207.602295,1198.913330
z"/>
<path fill="#536A99" opacity="1.000000" stroke="none"
	d="
M2575.638428,1299.672852
	C2582.959961,1290.845825 2590.281494,1282.018799 2599.510010,1273.891602
	C2604.802734,1276.368408 2608.010498,1279.042236 2611.607178,1279.756958
	C2623.204346,1282.061279 2635.037354,1283.199097 2646.609619,1285.603027
	C2667.222900,1289.885376 2687.583252,1295.469482 2708.280273,1299.243774
	C2747.424561,1306.382568 2784.526367,1320.317383 2822.313477,1332.009888
	C2827.176025,1333.514404 2830.446045,1336.184204 2831.458008,1341.993408
	C2821.912109,1348.744385 2813.030762,1354.410645 2802.852051,1359.421143
	C2791.682617,1350.148560 2777.897949,1350.936401 2767.141357,1344.446899
	C2724.717773,1334.733765 2683.077148,1321.551147 2639.754883,1315.802124
	C2632.582275,1314.850220 2625.505371,1313.197876 2618.358887,1312.021484
	C2607.958496,1310.309326 2597.415771,1309.246338 2587.179443,1306.854492
	C2583.001221,1305.878174 2579.466064,1302.149414 2575.638428,1299.672852
z"/>
<path fill="#6C88BF" opacity="1.000000" stroke="none"
	d="
M2627.327881,1247.162598
	C2627.327881,1247.162598 2627.658691,1245.565063 2629.055908,1244.296143
	C2638.952881,1236.667114 2647.452637,1230.307251 2656.658691,1225.244141
	C2663.714600,1233.307007 2672.348877,1234.941895 2680.802246,1235.765381
	C2696.690674,1237.313477 2711.974609,1241.085205 2727.220703,1245.573853
	C2749.359131,1252.091553 2771.887939,1257.344482 2793.847656,1264.391602
	C2822.839111,1273.695068 2851.464355,1284.146484 2880.188721,1294.269775
	C2885.216797,1296.041870 2889.963867,1298.620361 2891.254883,1305.253662
	C2881.827881,1310.997803 2873.170166,1315.655640 2863.187012,1319.706421
	C2850.317627,1314.169800 2838.952148,1308.760864 2827.198486,1304.396484
	C2784.373291,1288.494385 2739.760742,1278.921021 2695.536621,1268.040771
	C2677.003418,1263.481201 2658.249023,1259.775513 2639.509521,1256.122070
	C2633.709961,1254.991455 2629.839355,1252.258911 2627.327881,1247.162598
z"/>
<path fill="#0A204E" opacity="1.000000" stroke="none"
	d="
M2319.839844,1296.159546
	C2322.531494,1300.706787 2324.714355,1305.668579 2328.014648,1309.719971
	C2336.351562,1319.954102 2345.323730,1329.667969 2353.788574,1339.801392
	C2360.898438,1348.312866 2369.685303,1353.504517 2382.210205,1355.130371
	C2396.616943,1345.508545 2412.522705,1336.243042 2423.743408,1320.820801
	C2431.837646,1309.695801 2438.271240,1309.035156 2447.993652,1318.158447
	C2460.048096,1329.469849 2471.284180,1341.555420 2484.956299,1351.202393
	C2492.383789,1356.443237 2499.732910,1356.617554 2507.530518,1355.212280
	C2510.325684,1354.708374 2513.078369,1351.788208 2515.057129,1349.331543
	C2521.675537,1341.114990 2527.553223,1332.279053 2534.443115,1324.309814
	C2540.931152,1316.804932 2548.240479,1309.992188 2555.393311,1303.087402
	C2558.515625,1300.073486 2562.338623,1299.448120 2566.521240,1304.157227
	C2563.300537,1310.151733 2559.458252,1313.645996 2556.482666,1317.766113
	C2554.351318,1320.717163 2553.379883,1324.506104 2550.804443,1328.669922
	C2545.729248,1334.405273 2541.479736,1339.210571 2537.841553,1344.440918
	C2535.379150,1347.981567 2533.776611,1352.120117 2530.766602,1356.702271
	C2526.460938,1362.292114 2523.177979,1367.170654 2518.085938,1372.033203
	C2505.333008,1372.082153 2494.388184,1372.081665 2483.445801,1372.242554
	C2478.747070,1372.311646 2476.799316,1375.418579 2474.816406,1379.355347
	C2461.712158,1369.718384 2449.926758,1360.364990 2437.424561,1350.442993
	C2432.922852,1354.100952 2428.903320,1357.319092 2424.935547,1360.599854
	C2410.763672,1372.318115 2397.000244,1384.604614 2380.061035,1390.935547
	C2379.729736,1384.115479 2377.825439,1380.308472 2371.949707,1380.198120
	C2365.384277,1380.074829 2358.815186,1380.141113 2352.220703,1378.794922
	C2352.201660,1375.696533 2352.210205,1373.927856 2352.202148,1370.670898
	C2347.821533,1352.043823 2335.302979,1340.374878 2323.736816,1326.495117
	C2318.135254,1318.190674 2313.131836,1311.056885 2308.761719,1302.946411
	C2311.612305,1299.866211 2313.830322,1297.762695 2316.997070,1295.776489
	C2317.946045,1295.893799 2319.839844,1296.159546 2319.839844,1296.159546
z"/>
<path fill="#5F79AB" opacity="1.000000" stroke="none"
	d="
M2626.007812,1247.450195
	C2629.839355,1252.258911 2633.709961,1254.991455 2639.509521,1256.122070
	C2658.249023,1259.775513 2677.003418,1263.481201 2695.536621,1268.040771
	C2739.760742,1278.921021 2784.373291,1288.494385 2827.198486,1304.396484
	C2838.952148,1308.760864 2850.317627,1314.169800 2862.325684,1320.784180
	C2856.171387,1326.065186 2849.408447,1329.429199 2843.025635,1333.403931
	C2841.191162,1334.546265 2840.453369,1337.449951 2838.017578,1339.689941
	C2835.255615,1340.192017 2833.689453,1340.550415 2832.123047,1340.908691
	C2830.446045,1336.184204 2827.176025,1333.514404 2822.313477,1332.009888
	C2784.526367,1320.317383 2747.424561,1306.382568 2708.280273,1299.243774
	C2687.583252,1295.469482 2667.222900,1289.885376 2646.609619,1285.603027
	C2635.037354,1283.199097 2623.204346,1282.061279 2611.607178,1279.756958
	C2608.010498,1279.042236 2604.802734,1276.368408 2600.677734,1273.262939
	C2607.197021,1262.855225 2614.587646,1253.910767 2626.007812,1247.450195
z"/>
<path fill="#475C86" opacity="1.000000" stroke="none"
	d="
M2551.890869,1327.921143
	C2553.379883,1324.506104 2554.351318,1320.717163 2556.482666,1317.766113
	C2559.458252,1313.645996 2563.300537,1310.151733 2567.343994,1305.198975
	C2569.828125,1302.890991 2571.740479,1301.773804 2574.645508,1300.164795
	C2579.466064,1302.149414 2583.001221,1305.878174 2587.179443,1306.854492
	C2597.415771,1309.246338 2607.958496,1310.309326 2618.358887,1312.021484
	C2625.505371,1313.197876 2632.582275,1314.850220 2639.754883,1315.802124
	C2683.077148,1321.551147 2724.717773,1334.733765 2767.141357,1344.446899
	C2777.897949,1350.936401 2791.682617,1350.148560 2802.250977,1360.539429
	C2797.917725,1366.682861 2792.887939,1371.052368 2786.640137,1375.715820
	C2782.412598,1377.418701 2779.403564,1378.827759 2774.896240,1380.020508
	C2759.146240,1374.658447 2745.226318,1368.114624 2730.578125,1364.641357
	C2693.528809,1355.856323 2656.204834,1348.190796 2618.876465,1340.641968
	C2606.687256,1338.177124 2594.009033,1338.143066 2581.807617,1335.721680
	C2571.741943,1333.724243 2560.818604,1334.433594 2551.890869,1327.921143
z"/>
<path fill="#103F9A" opacity="1.000000" stroke="none"
	d="
M2478.511475,1236.483887
	C2481.253174,1236.984009 2482.718018,1238.956299 2484.387939,1239.148926
	C2499.898926,1240.938843 2515.422363,1242.732544 2530.989746,1243.882202
	C2540.735596,1244.601807 2550.526367,1243.459473 2560.099609,1247.073730
	C2564.181396,1248.614990 2569.213623,1247.435913 2573.731689,1248.075073
	C2580.145264,1248.982300 2586.482666,1250.427002 2594.494141,1251.897461
	C2585.158936,1263.655151 2574.122803,1275.101196 2563.232178,1286.683838
	C2558.054688,1292.190308 2551.241699,1293.385620 2544.852295,1291.689209
	C2521.932861,1285.604004 2498.661377,1288.762573 2475.551514,1288.075684
	C2467.455322,1287.835083 2459.569580,1287.772827 2452.902344,1280.477783
	C2453.086182,1278.567993 2452.497803,1275.506714 2453.709961,1273.575928
	C2461.406250,1261.317383 2466.078613,1247.073242 2478.511475,1236.483887
z"/>
<path fill="#123E92" opacity="1.000000" stroke="none"
	d="
M2321.490723,1295.904297
	C2319.839844,1296.159546 2317.946045,1295.893799 2316.862549,1294.433472
	C2311.776367,1287.907227 2307.969727,1282.670166 2303.725586,1277.815186
	C2297.284912,1270.447144 2290.540283,1263.344482 2283.924805,1256.128906
	C2303.636963,1251.715576 2323.343262,1246.923706 2343.751709,1248.071777
	C2362.197266,1249.109375 2379.900635,1244.108765 2399.133301,1241.060059
	C2411.861084,1249.623169 2418.048584,1262.813599 2423.248535,1276.466309
	C2424.252686,1279.102539 2422.720947,1282.704590 2422.395020,1285.547974
	C2414.614258,1289.502563 2407.168457,1287.638184 2399.982666,1287.969360
	C2386.108887,1288.608643 2372.135010,1286.611572 2358.439453,1291.324219
	C2353.636475,1292.976807 2347.834473,1291.474365 2342.574707,1292.115967
	C2336.050293,1292.911743 2329.615234,1294.438232 2321.490723,1295.904297
z"/>
<path fill="#123E92" opacity="1.000000" stroke="none"
	d="
M2655.952393,1223.947266
	C2647.452637,1230.307251 2638.952881,1236.667114 2629.210693,1243.495239
	C2627.656738,1240.323486 2626.693115,1237.148438 2621.207520,1236.072144
	C2623.617432,1231.372559 2627.311279,1226.883667 2631.573730,1221.280151
	C2644.259033,1213.827148 2656.604492,1207.855835 2667.529785,1197.365601
	C2671.343262,1195.059814 2674.494385,1193.929688 2679.296143,1193.491455
	C2681.937012,1197.385498 2682.927490,1200.587646 2683.261719,1204.815186
	C2681.015381,1207.700806 2679.425537,1209.561035 2676.526367,1211.429321
	C2668.795410,1215.607300 2662.373779,1219.777222 2655.952393,1223.947266
z"/>
<path fill="#0D3075" opacity="1.000000" stroke="none"
	d="
M2282.708740,1255.553711
	C2290.540283,1263.344482 2297.284912,1270.447144 2303.725586,1277.815186
	C2307.969727,1282.670166 2311.776367,1287.907227 2315.913574,1294.316162
	C2313.830322,1297.762695 2311.612305,1299.866211 2307.721680,1302.545288
	C2304.168701,1301.939819 2302.288330,1300.758911 2299.748535,1298.448975
	C2296.001465,1293.118408 2293.082520,1288.777832 2289.777588,1284.754517
	C2286.498535,1280.763306 2283.389648,1276.335327 2276.993652,1274.378174
	C2270.107178,1261.234131 2258.347168,1255.409790 2247.822021,1246.737061
	C2246.153076,1244.035889 2244.956543,1242.292969 2243.760254,1240.550049
	C2245.790039,1238.029175 2247.820068,1235.508423 2250.961426,1232.435791
	C2256.541260,1235.773071 2260.858398,1239.855591 2265.518555,1243.499268
	C2270.679443,1247.534912 2276.154541,1251.169312 2282.708740,1255.553711
z"/>
<path fill="#0B2D73" opacity="1.000000" stroke="none"
	d="
M1716.257202,1465.828369
	C1720.216675,1464.206787 1724.105957,1464.150635 1729.683594,1465.792236
	C1731.519409,1473.011475 1731.666992,1478.532959 1731.663330,1485.759399
	C1731.626953,1494.323120 1731.741821,1501.181763 1731.748779,1509.808105
	C1731.904053,1520.995117 1732.167480,1530.414307 1732.288452,1541.218262
	C1731.994263,1544.453857 1731.842529,1546.304810 1730.149780,1548.116211
	C1724.519653,1548.170898 1720.430664,1548.265381 1716.341553,1548.359863
	C1716.219604,1541.367920 1716.097656,1534.376099 1715.926025,1525.629517
	C1715.931152,1510.464355 1715.986084,1497.053711 1715.997070,1481.810181
	C1716.031006,1475.782837 1716.109009,1471.588379 1716.257202,1465.828369
z"/>
<path fill="#175CDC" opacity="1.000000" stroke="none"
	d="
M1483.915039,3263.927246
	C1467.269531,3263.990234 1450.594849,3263.446045 1433.984375,3264.241699
	C1398.456543,3265.943115 1364.052856,3259.320068 1329.682251,3251.720459
	C1275.141235,3239.661865 1225.522461,3215.866211 1178.595825,3186.581055
	C1163.608154,3177.227783 1148.245972,3167.491211 1135.782471,3154.209961
	C1130.394653,3148.468262 1123.026489,3144.621094 1117.397827,3139.062988
	C1089.814697,3111.826172 1067.391968,3080.861328 1048.989380,3046.635498
	C1030.821045,3012.845459 1020.624390,2976.597168 1012.854248,2939.535400
	C1008.081360,2916.768799 1007.759827,2893.497803 1007.716736,2870.186279
	C1007.658875,2838.825928 1011.671997,2808.283203 1018.372742,2777.640625
	C1023.667908,2753.425781 1031.688965,2730.513916 1042.053833,2708.321533
	C1055.275635,2680.012939 1069.182251,2652.030273 1086.811768,2626.066162
	C1111.906250,2589.108154 1140.209473,2554.954590 1175.995728,2525.515625
	C1180.188843,2530.062500 1183.428223,2534.219971 1183.516602,2538.443359
	C1183.765137,2550.329102 1187.159180,2561.901855 1187.488037,2573.481201
	C1188.180176,2597.850586 1194.671509,2621.344482 1196.228394,2645.494873
	C1196.558594,2650.615234 1199.593872,2653.876465 1203.848877,2657.390137
	C1202.423340,2661.128418 1201.406372,2663.597168 1199.964844,2665.787109
	C1183.422852,2690.916504 1171.148438,2718.141846 1161.143311,2746.369141
	C1152.721924,2770.128174 1146.141113,2794.264404 1142.910645,2819.548340
	C1139.175293,2848.784180 1138.574829,2877.528320 1143.580078,2906.614014
	C1150.709106,2948.041260 1166.355469,2985.556885 1192.388672,3018.616699
	C1198.950439,3026.949707 1207.022705,3034.294189 1212.458618,3043.269287
	C1222.852173,3060.430176 1239.535645,3070.747559 1254.382446,3082.545898
	C1290.230225,3111.034180 1331.734863,3128.689209 1377.555664,3140.040527
	C1388.656006,3142.924316 1398.262573,3145.534668 1408.061523,3149.557861
	C1412.132446,3158.549072 1414.963379,3166.936768 1420.080688,3173.557861
	C1437.302368,3195.840088 1455.713379,3217.205566 1472.838867,3239.558350
	C1478.170288,3246.517090 1485.652466,3253.378906 1483.915039,3263.927246
z"/>
<path fill="#134EBD" opacity="1.000000" stroke="none"
	d="
M1485.673096,3263.963867
	C1485.652466,3253.378906 1478.170288,3246.517090 1472.838867,3239.558350
	C1455.713379,3217.205566 1437.302368,3195.840088 1420.080688,3173.557861
	C1414.963379,3166.936768 1412.132446,3158.549072 1409.745117,3149.507324
	C1423.544922,3148.506836 1435.287476,3154.077148 1449.173950,3152.604004
	C1454.991211,3154.063232 1459.500488,3155.021729 1464.143799,3157.396484
	C1467.455566,3164.475098 1470.026245,3170.604004 1473.940552,3175.700439
	C1481.509888,3185.555908 1489.931030,3194.751953 1497.826538,3204.363281
	C1508.616333,3217.497803 1518.998779,3230.976074 1530.068970,3243.866455
	C1534.241577,3248.725098 1536.529785,3253.601562 1535.924316,3259.881104
	C1528.886719,3260.865234 1521.849121,3261.849365 1513.400879,3263.412109
	C1503.803955,3263.993408 1495.617554,3263.996826 1485.673096,3263.963867
z"/>
<path fill="#1350C3" opacity="1.000000" stroke="none"
	d="
M1204.060303,2655.991211
	C1199.593872,2653.876465 1196.558594,2650.615234 1196.228394,2645.494873
	C1194.671509,2621.344482 1188.180176,2597.850586 1187.488037,2573.481201
	C1187.159180,2561.901855 1183.765137,2550.329102 1183.516602,2538.443359
	C1183.428223,2534.219971 1180.188843,2530.062500 1177.190674,2524.931885
	C1178.707886,2521.291016 1181.355591,2518.521484 1184.150269,2515.909912
	C1190.323975,2510.139893 1196.571411,2504.448975 1203.350098,2497.562500
	C1205.680176,2496.162354 1207.448730,2495.926025 1211.156494,2497.079590
	C1217.201782,2513.721436 1220.862427,2528.998291 1220.097412,2545.032715
	C1219.784424,2551.593750 1219.365967,2558.571777 1221.190918,2564.707031
	C1223.517334,2572.528564 1223.157715,2580.350098 1224.227539,2588.129883
	C1225.715210,2598.949707 1225.871826,2610.271973 1232.047119,2620.005371
	C1226.997559,2628.599121 1218.516357,2635.018799 1214.563843,2646.770020
	C1210.068604,2650.855957 1207.064453,2653.423584 1204.060303,2655.991211
z"/>
<path fill="#0A204E" opacity="1.000000" stroke="none"
	d="
M1644.096069,3231.856934
	C1643.694092,3230.593018 1642.971924,3229.551025 1641.044312,3226.654297
	C1641.380859,3213.745361 1642.602417,3202.913574 1643.848267,3190.428711
	C1641.736328,3179.095459 1639.897705,3169.472656 1639.560547,3159.418457
	C1639.207886,3148.900391 1629.965332,3141.965820 1620.230347,3144.947510
	C1613.474976,3147.016602 1605.507202,3146.088379 1598.219727,3151.834717
	C1588.296631,3151.949463 1580.123047,3152.035889 1571.949341,3152.122559
	C1568.938110,3152.119141 1565.926758,3152.115479 1561.437256,3150.664551
	C1559.997681,3146.225098 1560.036255,3143.233154 1561.596069,3140.109863
	C1570.063354,3138.618164 1577.009521,3137.257568 1585.587769,3135.978027
	C1599.595337,3133.936279 1612.252441,3133.094482 1625.225708,3127.417236
	C1631.921265,3123.262207 1632.044067,3117.757568 1633.200317,3112.222168
	C1637.804321,3114.284180 1641.474976,3115.749268 1644.073730,3118.304199
	C1648.532349,3122.687744 1653.558960,3124.453613 1660.320312,3125.375977
	C1665.414673,3152.125732 1669.788086,3177.479980 1674.243774,3203.311279
	C1680.147461,3203.682861 1685.405884,3203.916016 1690.646362,3204.360352
	C1717.173340,3206.608887 1743.379761,3210.528320 1767.298218,3219.917480
	C1762.375366,3221.400635 1759.935669,3223.436523 1762.307495,3227.415039
	C1765.612549,3232.958984 1772.471313,3236.465332 1770.157471,3244.212891
	C1762.637817,3244.165527 1756.796265,3244.004395 1750.965820,3244.191650
	C1746.182861,3244.345215 1744.466309,3247.697998 1742.820068,3253.026611
	C1739.898926,3266.784424 1738.043335,3279.423096 1736.055664,3293.584961
	C1734.598633,3302.058350 1733.273926,3309.009033 1730.446289,3315.978027
	C1725.934937,3316.009766 1722.926636,3316.023438 1719.918213,3316.036865
	C1719.942383,3313.032715 1719.966431,3310.028809 1720.023193,3303.825439
	C1722.444580,3284.427734 1724.768188,3268.219238 1727.246948,3252.034668
	C1728.673462,3242.720947 1725.741699,3237.990967 1716.929565,3236.262451
	C1702.051392,3233.344482 1687.147095,3231.045654 1671.852417,3231.891602
	C1662.629028,3232.401123 1653.350098,3231.902588 1644.096069,3231.856934
z"/>
<path fill="#1144A8" opacity="1.000000" stroke="none"
	d="
M1537.504395,3259.756348
	C1536.529785,3253.601562 1534.241577,3248.725098 1530.068970,3243.866455
	C1518.998779,3230.976074 1508.616333,3217.497803 1497.826538,3204.363281
	C1489.931030,3194.751953 1481.509888,3185.555908 1473.940552,3175.700439
	C1470.026245,3170.604004 1467.455566,3164.475098 1466.000244,3157.355469
	C1485.047974,3156.018311 1502.373169,3156.138428 1519.698486,3156.258301
	C1522.508301,3171.519043 1534.063354,3181.419434 1543.032104,3192.570068
	C1555.871826,3208.533203 1570.383301,3223.148926 1584.085327,3238.425781
	C1585.322998,3239.805664 1585.863403,3241.810791 1586.780518,3243.630615
	C1584.087891,3249.266602 1578.921997,3250.536377 1573.809204,3251.730225
	C1562.249756,3254.429443 1550.661255,3257.005615 1537.504395,3259.756348
z"/>
<path fill="#10409F" opacity="1.000000" stroke="none"
	d="
M1715.883057,3388.056396
	C1706.817505,3386.946533 1700.851929,3380.230469 1693.846069,3375.545166
	C1687.311035,3371.173828 1681.246216,3366.041016 1675.280762,3360.888672
	C1662.820801,3350.125977 1650.302856,3339.405273 1638.336426,3328.108154
	C1632.710449,3322.797119 1627.092773,3319.013428 1617.594971,3320.032471
	C1618.798828,3308.619629 1621.259033,3297.114014 1624.366577,3285.785889
	C1625.825928,3280.466309 1630.868408,3279.069824 1635.190918,3282.003418
	C1636.276245,3282.740234 1637.316040,3283.565186 1638.284546,3284.450439
	C1654.748413,3299.501709 1671.385742,3314.370605 1687.568481,3329.718750
	C1695.274048,3337.027100 1703.566040,3343.206055 1714.515259,3349.744141
	C1715.904419,3363.839844 1715.893677,3375.947998 1715.883057,3388.056396
z"/>
<path fill="#0D3075" opacity="1.000000" stroke="none"
	d="
M1644.191284,3233.251465
	C1653.350098,3231.902588 1662.629028,3232.401123 1671.852417,3231.891602
	C1687.147095,3231.045654 1702.051392,3233.344482 1716.929565,3236.262451
	C1725.741699,3237.990967 1728.673462,3242.720947 1727.246948,3252.034668
	C1724.768188,3268.219238 1722.444580,3284.427734 1720.000000,3302.323730
	C1717.456055,3303.297607 1714.381714,3303.267578 1712.573975,3301.739502
	C1700.085449,3291.183105 1687.676758,3280.515869 1675.615723,3269.476318
	C1667.382202,3261.940674 1659.578613,3253.908203 1651.938354,3245.764404
	C1648.894897,3242.520752 1646.808594,3238.378906 1644.191284,3233.251465
z"/>
<path fill="#0D3075" opacity="1.000000" stroke="none"
	d="
M1571.980103,3153.578613
	C1580.123047,3152.035889 1588.296631,3151.949463 1598.785156,3153.067383
	C1608.654663,3163.373291 1616.145508,3172.528564 1623.786133,3181.557129
	C1629.009888,3187.729980 1634.675171,3193.281006 1643.823975,3192.081543
	C1642.602417,3202.913574 1641.380859,3213.745361 1640.191895,3226.208008
	C1635.575684,3227.911865 1631.517456,3227.787109 1627.810059,3223.536621
	C1618.662476,3213.049805 1608.502197,3203.451904 1599.218750,3193.076416
	C1590.411865,3183.233154 1582.064697,3172.964600 1573.856689,3162.612793
	C1572.389282,3160.762207 1572.583740,3157.594238 1571.980103,3153.578613
z"/>
<path fill="#0D3075" opacity="1.000000" stroke="none"
	d="
M1715.938477,3389.775146
	C1715.893677,3375.947998 1715.904419,3363.839844 1715.902344,3349.928223
	C1716.470215,3338.166992 1717.050781,3328.208740 1718.774780,3317.143799
	C1722.926636,3316.023438 1725.934937,3316.009766 1730.524658,3317.601807
	C1732.209351,3323.535889 1732.312500,3327.864014 1732.272339,3333.968262
	C1732.062866,3346.487305 1731.996582,3357.230957 1731.823242,3369.793457
	C1731.936401,3383.766357 1732.156494,3395.920166 1732.251221,3409.860352
	C1732.635010,3421.351318 1733.143921,3431.055908 1731.990967,3440.555420
	C1726.998413,3440.091797 1723.667725,3439.833496 1720.337158,3439.575195
	C1720.283203,3437.890869 1720.229248,3436.206787 1720.092285,3433.261230
	C1719.236938,3424.947510 1718.410400,3417.900146 1717.708008,3410.840820
	C1717.066895,3404.398682 1716.560059,3397.943359 1715.938477,3389.775146
z"/>
<path fill="#0D3075" opacity="1.000000" stroke="none"
	d="
M1521.512451,3156.166504
	C1502.373169,3156.138428 1485.047974,3156.018311 1465.866211,3155.939453
	C1459.500488,3155.021729 1454.991211,3154.063232 1449.221436,3151.167969
	C1448.004639,3146.363770 1448.048218,3143.496338 1449.752930,3140.493164
	C1456.974731,3140.331543 1462.535645,3140.305908 1469.886963,3140.502930
	C1482.590576,3140.722168 1493.503662,3140.719238 1505.778076,3141.392822
	C1514.269043,3142.377930 1521.420898,3143.166016 1528.520386,3142.834229
	C1533.673584,3142.593262 1538.757446,3140.869873 1545.489624,3139.911133
	C1551.429565,3140.090088 1555.752197,3140.165527 1560.074829,3140.240967
	C1560.036255,3143.233154 1559.997681,3146.225098 1559.932495,3150.718750
	C1556.323242,3153.479980 1552.795898,3155.591797 1549.146606,3155.829102
	C1540.570801,3156.387207 1531.936890,3156.049805 1521.512451,3156.166504
z"/>
<path fill="#7998D3" opacity="1.000000" stroke="none"
	d="
M1227.433594,2651.704834
	C1228.036865,2651.386963 1228.639893,2651.069092 1230.834595,2651.956543
	C1233.262207,2654.963867 1234.449463,2656.686035 1234.880249,2658.580322
	C1239.553955,2679.130127 1243.667969,2699.817627 1248.814697,2720.246094
	C1254.449463,2742.612061 1260.799072,2764.805664 1267.238403,2786.958008
	C1271.452759,2801.456299 1275.986694,2815.888916 1281.080566,2830.098633
	C1288.649658,2851.213379 1296.840698,2872.104736 1304.578613,2894.473877
	C1301.256348,2906.278076 1309.630981,2908.463379 1316.022461,2913.621582
	C1318.923462,2923.933594 1320.865356,2933.158447 1324.835083,2941.406982
	C1354.193237,3002.411133 1385.393433,3062.400635 1423.987671,3118.257568
	C1427.631592,3123.531494 1429.334229,3130.147217 1430.287964,3136.177246
	C1419.040527,3134.483154 1409.443359,3132.751953 1399.854492,3129.620117
	C1399.218628,3125.685303 1399.129883,3122.820801 1397.847290,3120.666748
	C1378.920410,3088.881592 1358.815430,3057.749268 1341.061890,3025.327637
	C1321.635132,2989.849609 1303.416138,2953.591553 1288.653198,2915.870605
	C1273.247559,2876.506104 1257.396606,2837.248291 1246.155640,2796.380859
	C1237.571411,2765.172852 1228.262695,2734.134277 1220.886963,2702.643311
	C1218.865723,2694.012939 1216.117920,2686.449707 1211.879639,2677.845215
	C1217.222412,2668.253418 1222.328003,2659.979004 1227.433594,2651.704834
z"/>
<path fill="#1649A9" opacity="1.000000" stroke="none"
	d="
M1226.177490,2651.639648
	C1222.328003,2659.979004 1217.222412,2668.253418 1210.848755,2678.749023
	C1204.798218,2689.824463 1200.015747,2698.678711 1194.229736,2708.476318
	C1165.556396,2761.566406 1151.922852,2816.826172 1155.329224,2876.117676
	C1157.580200,2915.293213 1167.872803,2952.079102 1187.870728,2985.694336
	C1229.257568,3055.264404 1290.831299,3098.665771 1368.361328,3122.486816
	C1371.499878,3124.463135 1373.843384,3125.768555 1376.133057,3128.662598
	C1376.073242,3133.423096 1376.067505,3136.594971 1376.061768,3139.766846
	C1331.734863,3128.689209 1290.230225,3111.034180 1254.382446,3082.545898
	C1239.535645,3070.747559 1222.852173,3060.430176 1212.458618,3043.269287
	C1207.022705,3034.294189 1198.950439,3026.949707 1192.388672,3018.616699
	C1166.355469,2985.556885 1150.709106,2948.041260 1143.580078,2906.614014
	C1138.574829,2877.528320 1139.175293,2848.784180 1142.910645,2819.548340
	C1146.141113,2794.264404 1152.721924,2770.128174 1161.143311,2746.369141
	C1171.148438,2718.141846 1183.422852,2690.916504 1199.964844,2665.787109
	C1201.406372,2663.597168 1202.423340,2661.128418 1203.848999,2657.390137
	C1207.064453,2653.423584 1210.068604,2650.855957 1214.258301,2648.137695
	C1218.603027,2649.182861 1221.762329,2650.378906 1226.177490,2651.639648
z"/>
<path fill="#0A204E" opacity="1.000000" stroke="none"
	d="
M1336.258667,2347.904297
	C1330.020386,2341.955566 1323.782104,2336.006836 1316.899170,2327.688965
	C1317.526123,2322.031738 1318.797729,2318.743652 1321.332397,2315.770020
	C1326.996948,2318.775391 1331.398438,2321.465576 1336.451904,2325.341064
	C1348.685791,2337.111328 1361.046265,2346.507324 1377.320557,2351.835205
	C1381.187500,2348.958008 1383.799072,2346.302490 1386.209961,2343.475830
	C1389.475708,2339.646484 1392.587402,2335.685547 1395.832031,2333.442383
	C1394.637085,2346.179443 1397.228027,2356.162354 1404.165283,2366.215820
	C1391.446289,2388.734863 1377.356812,2408.763672 1360.808472,2427.035889
	C1358.291748,2429.814941 1356.661011,2433.396240 1354.339233,2437.048828
	C1358.776123,2442.167969 1362.725708,2446.558594 1366.491821,2451.100830
	C1379.157349,2466.376709 1392.218872,2481.386475 1398.895020,2500.099121
	C1388.803223,2506.237793 1388.677979,2515.581299 1386.185303,2524.222412
	C1372.568237,2516.981201 1363.433838,2521.804443 1354.252930,2531.811768
	C1344.469604,2538.560059 1336.020386,2545.046143 1326.409790,2552.098145
	C1319.541382,2556.450439 1313.834473,2560.236816 1308.127563,2564.023193
	C1303.201172,2560.615479 1303.007568,2555.916504 1306.597778,2552.112305
	C1314.310669,2543.940186 1322.394043,2536.051514 1330.907959,2528.723145
	C1337.385132,2523.147949 1344.899170,2518.796387 1351.700439,2513.572998
	C1360.180908,2507.060059 1362.661743,2498.838623 1358.057495,2488.967773
	C1355.325439,2483.110352 1351.087769,2477.741455 1346.683594,2472.923828
	C1338.633179,2464.117676 1329.751343,2456.075684 1321.601440,2447.355225
	C1314.044800,2439.269531 1314.171387,2433.171143 1321.392944,2424.734131
	C1324.406738,2421.212891 1327.686035,2417.919189 1332.668457,2412.703125
	C1345.993530,2402.655762 1352.697266,2390.241943 1361.465942,2379.651855
	C1365.477051,2374.807861 1364.798096,2368.238281 1360.740112,2363.212891
	C1354.379639,2355.336426 1346.721313,2349.322266 1336.258667,2347.904297
z"/>
<path fill="#6C88BF" opacity="1.000000" stroke="none"
	d="
M1304.767090,2893.091309
	C1296.840698,2872.104736 1288.649658,2851.213379 1281.080566,2830.098633
	C1275.986694,2815.888916 1271.452759,2801.456299 1267.238403,2786.958008
	C1260.799072,2764.805664 1254.449463,2742.612061 1248.814697,2720.246094
	C1243.667969,2699.817627 1239.553955,2679.130127 1234.880249,2658.580322
	C1234.449463,2656.686035 1233.262207,2654.963867 1231.773926,2651.552734
	C1237.190796,2641.652588 1243.259766,2633.361328 1252.017212,2624.664551
	C1259.705444,2625.521240 1263.245605,2628.567871 1263.548218,2633.758545
	C1264.439697,2649.047852 1269.000488,2663.626221 1271.615234,2678.565430
	C1278.245728,2716.448242 1287.497803,2753.590820 1299.904419,2789.995117
	C1304.599243,2803.770752 1308.109253,2817.947510 1312.671387,2831.772461
	C1314.525269,2837.390381 1317.240967,2842.899658 1320.561890,2847.780029
	C1322.114014,2850.060547 1326.036255,2850.728271 1328.479004,2853.506836
	C1320.304810,2867.621338 1312.536011,2880.356445 1304.767090,2893.091309
z"/>
<path fill="#5E77A9" opacity="1.000000" stroke="none"
	d="
M1328.884155,2852.127197
	C1326.036255,2850.728271 1322.114014,2850.060547 1320.561890,2847.780029
	C1317.240967,2842.899658 1314.525269,2837.390381 1312.671387,2831.772461
	C1308.109253,2817.947510 1304.599243,2803.770752 1299.904419,2789.995117
	C1287.497803,2753.590820 1278.245728,2716.448242 1271.615234,2678.565430
	C1269.000488,2663.626221 1264.439697,2649.047852 1263.548218,2633.758545
	C1263.245605,2628.567871 1259.705444,2625.521240 1253.147705,2623.977539
	C1261.451294,2613.127197 1271.312866,2602.558350 1283.060181,2593.067871
	C1293.180908,2616.021729 1294.819946,2639.381348 1299.198730,2662.031738
	C1307.019409,2702.484375 1317.578735,2742.125000 1329.093872,2781.572021
	C1333.732300,2797.461182 1339.387817,2813.053955 1344.469482,2829.611816
	C1344.358521,2830.442383 1344.036499,2832.095947 1342.902588,2832.719238
	C1337.420654,2839.567383 1336.062012,2847.843018 1328.884155,2852.127197
z"/>
<path fill="#516895" opacity="1.000000" stroke="none"
	d="
M1344.580444,2828.781494
	C1339.387817,2813.053955 1333.732300,2797.461182 1329.093872,2781.572021
	C1317.578735,2742.125000 1307.019409,2702.484375 1299.198730,2662.031738
	C1294.819946,2639.381348 1293.180908,2616.021729 1284.344116,2592.621826
	C1289.635254,2585.057129 1295.528076,2579.016846 1304.074951,2572.711182
	C1314.727783,2578.025391 1315.085693,2586.793213 1315.927734,2595.188965
	C1317.898071,2614.833984 1320.609253,2634.350098 1325.098755,2653.589844
	C1325.846680,2656.794678 1327.530396,2659.891602 1327.713989,2663.099609
	C1329.085693,2687.065430 1338.335449,2709.207520 1343.838867,2732.186279
	C1349.346436,2755.183350 1357.276855,2777.600098 1363.630493,2801.502930
	C1356.937256,2811.416992 1350.758789,2820.099121 1344.580444,2828.781494
z"/>
<path fill="#103F9A" opacity="1.000000" stroke="none"
	d="
M1228.051758,2385.780518
	C1234.342285,2378.822021 1236.733521,2371.364258 1235.910400,2363.129639
	C1233.656372,2340.579346 1241.329590,2318.770996 1240.490479,2296.244141
	C1240.212524,2288.783447 1244.326904,2281.159668 1249.020630,2272.864014
	C1267.408081,2283.053955 1279.836792,2297.421631 1292.129395,2311.927734
	C1291.508789,2324.396240 1293.144287,2336.956299 1288.751343,2349.250244
	C1287.057373,2353.990723 1288.053711,2359.732422 1288.023071,2365.019531
	C1287.946289,2378.256104 1287.972778,2391.493652 1287.979248,2404.730713
	C1287.981934,2410.165771 1287.586426,2415.399658 1280.766724,2418.922852
	C1277.994629,2417.943359 1273.951660,2417.303223 1270.809814,2415.270020
	C1256.544800,2406.038818 1239.839478,2400.455811 1228.051758,2385.780518
z"/>
<path fill="#475C86" opacity="1.000000" stroke="none"
	d="
M1364.145264,2800.271240
	C1357.276855,2777.600098 1349.346436,2755.183350 1343.838867,2732.186279
	C1338.335449,2709.207520 1329.085693,2687.065430 1327.713989,2663.099609
	C1327.530396,2659.891602 1325.846680,2656.794678 1325.098755,2653.589844
	C1320.609253,2634.350098 1317.898071,2614.833984 1315.927734,2595.188965
	C1315.085693,2586.793213 1314.727783,2578.025391 1305.224365,2572.130127
	C1304.892456,2569.905762 1306.064941,2567.997070 1307.682617,2565.055664
	C1313.834473,2560.236816 1319.541382,2556.450439 1327.777344,2552.912598
	C1332.160400,2556.529053 1334.767822,2559.701660 1335.702515,2563.308105
	C1337.348511,2569.659424 1337.800171,2576.309082 1339.056519,2582.774414
	C1343.466797,2605.469727 1346.498047,2628.375488 1351.303345,2651.056152
	C1356.921997,2677.575928 1362.281128,2704.099365 1369.091309,2730.367676
	C1373.065308,2745.696045 1380.328735,2760.268311 1380.162231,2777.847168
	C1375.345093,2786.721436 1371.847656,2795.061768 1364.145264,2800.271240
z"/>
<path fill="#103C8D" opacity="1.000000" stroke="none"
	d="
M1255.996338,2463.954102
	C1262.439087,2459.472900 1268.708252,2454.709473 1275.383667,2450.606689
	C1280.033325,2447.748779 1285.215454,2446.750000 1291.033936,2451.677979
	C1291.303467,2454.658447 1291.875244,2458.507568 1291.958862,2462.367188
	C1292.215332,2474.209473 1292.041382,2485.898438 1295.177734,2497.685547
	C1297.321777,2505.743896 1295.651001,2514.772461 1296.063354,2523.348877
	C1296.470825,2531.824219 1297.352783,2540.277100 1298.192017,2550.816162
	C1290.809448,2560.212402 1280.639771,2569.556885 1269.176758,2577.750977
	C1264.796875,2565.183838 1263.190308,2553.584717 1263.923828,2541.652344
	C1264.245361,2536.422607 1264.964966,2530.730713 1263.369263,2525.962891
	C1258.842407,2512.437744 1260.154419,2498.654785 1260.082886,2484.925537
	C1260.044800,2477.603760 1259.879639,2470.458008 1255.996338,2463.954102
z"/>
<path fill="#1144A8" opacity="1.000000" stroke="none"
	d="
M1254.757812,2464.510498
	C1259.879639,2470.458008 1260.044800,2477.603760 1260.082886,2484.925537
	C1260.154419,2498.654785 1258.842407,2512.437744 1263.369263,2525.962891
	C1264.964966,2530.730713 1264.245361,2536.422607 1263.923828,2541.652344
	C1263.190308,2553.584717 1264.796875,2565.183838 1267.976074,2578.330078
	C1259.534912,2589.045410 1251.044556,2598.071289 1241.311279,2605.925537
	C1240.073608,2594.210938 1237.544189,2583.792969 1236.938721,2573.543457
	C1235.776245,2553.867676 1233.479248,2534.317627 1232.294189,2514.687500
	C1231.655151,2504.104004 1231.021851,2493.739746 1227.844360,2483.616455
	C1233.299927,2473.138672 1244.412231,2470.490479 1254.757812,2464.510498
z"/>
<path fill="#174BAC" opacity="1.000000" stroke="none"
	d="
M1226.557251,2483.832031
	C1231.021851,2493.739746 1231.655151,2504.104004 1232.294189,2514.687500
	C1233.479248,2534.317627 1235.776245,2553.867676 1236.938721,2573.543457
	C1237.544189,2583.792969 1240.073608,2594.210938 1240.152954,2606.577148
	C1239.984497,2612.872070 1238.051270,2616.397705 1233.184814,2619.458984
	C1225.871826,2610.271973 1225.715210,2598.949707 1224.227539,2588.129883
	C1223.157715,2580.350098 1223.517334,2572.528564 1221.190918,2564.707031
	C1219.365967,2558.571777 1219.784424,2551.593750 1220.097412,2545.032715
	C1220.862427,2528.998291 1217.201782,2513.721436 1212.486328,2496.942627
	C1215.047852,2490.102295 1219.012451,2485.724121 1226.557251,2483.832031
z"/>
<path fill="#0F2D6A" opacity="1.000000" stroke="none"
	d="
M1293.464844,2312.075684
	C1279.836792,2297.421631 1267.408081,2283.053955 1250.334717,2271.978027
	C1247.504639,2268.750977 1245.948120,2265.663330 1244.338257,2259.927246
	C1245.625488,2253.867920 1246.965942,2250.457275 1249.407349,2247.832031
	C1258.837036,2256.519531 1267.165649,2264.421387 1276.158691,2273.486816
	C1283.748413,2281.452637 1290.489746,2288.459717 1297.693970,2294.953125
	C1300.426514,2297.416504 1304.224609,2298.697754 1308.154053,2301.594482
	C1312.536987,2306.932617 1316.303223,2311.193848 1320.069336,2315.455322
	C1318.797729,2318.743652 1317.526123,2322.031738 1316.150269,2326.643066
	C1312.126099,2324.753906 1308.303223,2321.412109 1304.254272,2318.371582
	C1301.255127,2316.119385 1297.962280,2314.258545 1293.464844,2312.075684
z"/>
<path fill="#0A2A6A" opacity="1.000000" stroke="none"
	d="
M1335.015869,2349.051758
	C1346.721313,2349.322266 1354.379639,2355.336426 1360.740112,2363.212891
	C1364.798096,2368.238281 1365.477051,2374.807861 1361.465942,2379.651855
	C1352.697266,2390.241943 1345.993530,2402.655762 1333.291992,2411.481934
	C1332.060425,2395.884277 1331.903442,2379.687500 1332.081177,2363.494385
	C1332.129761,2359.056885 1333.181641,2354.630371 1335.015869,2349.051758
z"/>
<path fill="#1649A9" opacity="1.000000" stroke="none"
	d="
M3443.912354,1730.922241
	C3443.881104,1727.027100 3443.849854,1723.132080 3443.681641,1717.791992
	C3447.424316,1716.781860 3451.311279,1717.162598 3455.182129,1717.663940
	C3461.000244,1718.417236 3466.807373,1719.255249 3474.265869,1720.067627
	C3492.976318,1725.481812 3510.261719,1730.277954 3527.060059,1736.409424
	C3568.534912,1751.547485 3606.345703,1772.674683 3640.329590,1801.549683
	C3673.545410,1829.772095 3697.304199,1864.087158 3715.453613,1902.946533
	C3723.353271,1919.860596 3727.640869,1937.977905 3731.935059,1956.073364
	C3738.636475,1984.311523 3736.022461,2012.979370 3735.593506,2041.464966
	C3735.416748,2053.209961 3732.408203,2065.057129 3729.591309,2076.589844
	C3722.009277,2107.629395 3712.157471,2137.887939 3696.931152,2166.198730
	C3689.998535,2179.088623 3683.668701,2192.302490 3676.470215,2206.629395
	C3675.875000,2207.889404 3673.885742,2207.899170 3672.824707,2206.673340
	C3671.242432,2200.931152 3668.481445,2198.136963 3664.535645,2195.181396
	C3664.400879,2193.517090 3664.364746,2192.850342 3665.352539,2191.334473
	C3671.004150,2181.824219 3675.632324,2173.163086 3681.291504,2163.522705
	C3683.533936,2159.473633 3684.485596,2156.269043 3685.995850,2153.354004
	C3713.184326,2100.879639 3725.971924,2045.592529 3720.874023,1986.211060
	C3715.966309,1929.043823 3693.875732,1879.800781 3655.754883,1837.421387
	C3629.613281,1808.359375 3598.149902,1786.107178 3563.573975,1768.491699
	C3545.925293,1759.500366 3528.003174,1750.324707 3506.668457,1746.627563
	C3495.694580,1743.618652 3485.954102,1741.377075 3474.940430,1738.204102
	C3464.968262,1736.556763 3456.268799,1735.840576 3446.888672,1734.481201
	C3445.164307,1733.085205 3444.399170,1732.113281 3443.912354,1730.922241
z"/>
<path fill="#103C8D" opacity="1.000000" stroke="none"
	d="
M3664.634033,2196.178711
	C3668.481445,2198.136963 3671.242432,2200.931152 3671.830322,2206.670410
	C3661.369385,2223.016357 3650.842285,2238.139893 3640.092773,2254.640137
	C3634.066162,2260.992676 3628.261719,2265.968506 3621.310303,2271.506104
	C3619.970947,2268.449463 3619.778320,2264.830811 3619.711914,2258.311768
	C3622.851807,2250.482666 3625.865723,2245.553955 3629.948730,2239.891113
	C3636.822021,2231.545410 3642.626221,2223.933838 3649.457520,2215.524658
	C3655.201172,2208.543945 3659.917480,2202.361328 3664.634033,2196.178711
z"/>
<path fill="#061232" opacity="1.000000" stroke="none"
	d="
M3247.863525,3107.898682
	C3243.937256,3109.907227 3239.555908,3111.352783 3236.200195,3114.066895
	C3232.016357,3117.451172 3228.005127,3120.367676 3220.858887,3118.386719
	C3224.203125,3094.721436 3229.419434,3072.759766 3233.832520,3050.637939
	C3238.497070,3027.254883 3244.787842,3004.078613 3245.297852,2978.800293
	C3246.288330,2973.343506 3246.530518,2969.024658 3247.285400,2963.546387
	C3248.152832,2961.619873 3248.507324,2960.852783 3250.291260,2960.014648
	C3257.751709,2960.043457 3261.089844,2956.611816 3264.243896,2951.764404
	C3284.148682,2921.171387 3300.204346,2888.438232 3317.567383,2856.437988
	C3321.015137,2850.083740 3323.121582,2843.002930 3325.864990,2836.264648
	C3335.843994,2811.754395 3346.872803,2787.609131 3355.542969,2762.644775
	C3365.732422,2733.306152 3374.173828,2703.342773 3382.773926,2673.477783
	C3386.604492,2660.176514 3390.264648,2646.569336 3386.889648,2631.473877
	C3389.246338,2627.208984 3391.315674,2623.906250 3394.562500,2619.646484
	C3401.071289,2610.579834 3408.145508,2603.817139 3413.406006,2595.636719
	C3428.710205,2571.839355 3444.091309,2548.091064 3459.488770,2524.353760
	C3464.819824,2516.134277 3470.288330,2508.004395 3475.694336,2499.833740
	C3479.785400,2500.413574 3482.961426,2501.904785 3483.777832,2506.595215
	C3484.647461,2511.589600 3485.888916,2516.519043 3487.360840,2524.262695
	C3483.547852,2535.009521 3479.363525,2542.981934 3475.131348,2550.928711
	C3470.016113,2560.533691 3464.860107,2570.116943 3458.551758,2580.386719
	C3439.392090,2605.667236 3421.389648,2630.260986 3403.422363,2654.880615
	C3399.396240,2660.397705 3399.318359,2664.177979 3403.614014,2669.236328
	C3412.626221,2679.847656 3421.795410,2690.327637 3431.030518,2700.745850
	C3432.298340,2702.176025 3434.312256,2702.944336 3436.527100,2705.230469
	C3440.868652,2712.239746 3444.663574,2718.038086 3447.265137,2724.716797
	C3438.965332,2744.814453 3430.808838,2763.719238 3424.988770,2783.318115
	C3415.346680,2815.785645 3402.093262,2846.680908 3387.457275,2877.064453
	C3379.109131,2894.395020 3370.024170,2911.371826 3361.766113,2928.743164
	C3358.983887,2934.596191 3357.725586,2941.173584 3353.994141,2947.543701
	C3341.530273,2947.957275 3330.842773,2948.246826 3318.513672,2948.561035
	C3313.059326,2949.625732 3309.300293,2951.177979 3305.421143,2951.587891
	C3299.519287,2952.210938 3293.511719,2951.776123 3287.590088,2952.277588
	C3280.265869,2952.897949 3277.290039,2956.071777 3276.185791,2963.530762
	C3275.320068,2969.374756 3274.390625,2975.211914 3273.662842,2981.073486
	C3271.722168,2996.709473 3269.874756,3012.356934 3267.360840,3029.419434
	C3260.442139,3056.525391 3254.152832,3082.211914 3247.863525,3107.898682
z"/>
<path fill="#D6E2F8" opacity="1.000000" stroke="none"
	d="
M3475.902344,2498.455078
	C3470.288330,2508.004395 3464.819824,2516.134277 3459.488770,2524.353760
	C3444.091309,2548.091064 3428.710205,2571.839355 3413.406006,2595.636719
	C3408.145508,2603.817139 3401.071289,2610.579834 3394.254883,2617.624512
	C3391.963867,2609.274170 3392.915039,2602.254639 3394.052002,2594.955811
	C3396.379150,2580.019531 3401.061279,2565.323486 3400.054688,2549.919678
	C3399.882568,2547.290039 3399.610840,2544.385010 3400.487549,2542.015137
	C3405.483643,2528.513672 3403.604248,2514.505371 3404.034912,2500.660645
	C3404.220215,2494.712158 3403.492188,2488.380859 3405.291016,2482.918945
	C3408.089600,2474.421631 3407.930176,2465.955566 3407.975342,2457.365723
	C3408.034912,2446.083252 3407.251221,2434.742188 3408.135986,2423.529297
	C3410.340332,2395.589844 3401.979004,2368.274170 3403.797852,2340.400879
	C3403.923828,2338.474854 3403.159424,2336.500000 3402.888916,2334.536865
	C3401.902100,2327.374756 3400.943604,2320.208984 3399.986328,2313.042969
	C3399.462891,2309.123535 3399.073730,2305.183105 3398.432861,2301.283447
	C3396.406738,2288.957764 3394.150879,2276.668213 3392.279541,2264.319580
	C3391.561523,2259.581055 3394.390137,2256.972656 3399.881348,2257.163086
	C3401.598877,2260.008301 3402.024902,2262.078613 3403.191650,2263.568604
	C3410.088623,2272.376221 3417.885742,2280.567871 3424.025879,2289.861572
	C3439.386963,2313.113037 3453.909180,2336.916992 3469.006104,2360.345459
	C3475.063965,2369.746094 3481.746582,2378.744141 3488.144775,2387.925537
	C3496.292236,2399.088135 3504.407471,2410.274414 3512.604004,2421.400879
	C3515.664551,2425.555420 3518.913818,2429.571045 3521.721924,2433.192139
	C3506.016113,2455.189941 3491.063232,2476.133057 3475.902344,2498.455078
z"/>
<path fill="#445881" opacity="1.000000" stroke="none"
	d="
M3562.771973,2559.349609
	C3565.119141,2561.848877 3566.256348,2563.756348 3566.484863,2567.476074
	C3563.822754,2572.004150 3560.640381,2574.679932 3560.562988,2577.442627
	C3560.229004,2589.384277 3557.420410,2601.032471 3556.542236,2612.755127
	C3555.000977,2633.327393 3549.175049,2652.938965 3545.202393,2672.883545
	C3539.280762,2702.610352 3530.682861,2731.811035 3522.985107,2761.172852
	C3520.975342,2768.838135 3518.552246,2776.477295 3515.385986,2783.720703
	C3513.948975,2787.008545 3510.236572,2789.302002 3506.532715,2791.550781
	C3502.617188,2788.614746 3499.725342,2786.174316 3496.468262,2782.403564
	C3493.590820,2777.474854 3490.889893,2773.990723 3488.624268,2770.243652
	C3486.724609,2767.102051 3485.332764,2763.653320 3484.353027,2758.984375
	C3487.365967,2751.479980 3490.265869,2745.477783 3492.028320,2739.158447
	C3500.381836,2709.204102 3508.186279,2679.108887 3513.834473,2648.495850
	C3517.071045,2630.954346 3521.010742,2613.525879 3523.692383,2595.903320
	C3525.876221,2581.550293 3526.447510,2566.958008 3528.192383,2552.527588
	C3528.738037,2548.014160 3530.776611,2543.681152 3532.131836,2539.265625
	C3541.942139,2545.762939 3551.752197,2552.260254 3562.771973,2559.349609
z"/>
<path fill="#09183A" opacity="1.000000" stroke="none"
	d="
M3489.687500,2387.580566
	C3481.746582,2378.744141 3475.063965,2369.746094 3469.006104,2360.345459
	C3453.909180,2336.916992 3439.386963,2313.113037 3424.025879,2289.861572
	C3417.885742,2280.567871 3410.088623,2272.376221 3403.191650,2263.568604
	C3402.024902,2262.078613 3401.598877,2260.008301 3399.503418,2255.928467
	C3390.636719,2245.175293 3383.097168,2236.699707 3375.271484,2227.106934
	C3373.800537,2224.055176 3372.616211,2222.121094 3372.901611,2219.902588
	C3379.042236,2218.245605 3379.749756,2214.966797 3379.060791,2210.642090
	C3377.861816,2203.117920 3376.958008,2195.546631 3376.948486,2188.002441
	C3378.644287,2188.012939 3379.322021,2188.016357 3380.837402,2189.056641
	C3385.572266,2192.522461 3389.502930,2192.075439 3392.508301,2188.989990
	C3404.430908,2176.750000 3416.122070,2164.284180 3428.532227,2150.733887
	C3433.149170,2145.332275 3437.058350,2141.026367 3441.133545,2136.883789
	C3446.679932,2131.245605 3451.001465,2124.972412 3453.634277,2116.563965
	C3466.765869,2105.759277 3477.224365,2094.268311 3485.798584,2080.108887
	C3492.245605,2079.972168 3495.687012,2081.748779 3494.507324,2088.432617
	C3488.803955,2096.415771 3484.018066,2103.458984 3479.506592,2110.674072
	C3477.811523,2113.384521 3476.754395,2116.493896 3474.283447,2120.136230
	C3464.764893,2131.226562 3456.369385,2141.602051 3446.781738,2152.591309
	C3440.560791,2159.284668 3435.913086,2165.736816 3430.414795,2171.356934
	C3422.051514,2179.906006 3414.278320,2188.770996 3409.236816,2199.198242
	C3410.199951,2204.827148 3411.776123,2209.996826 3411.801514,2215.173828
	C3411.836182,2222.250000 3414.496338,2227.491943 3418.780518,2233.036133
	C3428.447021,2245.545898 3437.257080,2258.727539 3446.194336,2271.787354
	C3456.227051,2286.447510 3466.016113,2301.274658 3476.114014,2317.416504
	C3482.897949,2329.826660 3489.479004,2340.849365 3496.060059,2351.872070
	C3496.013428,2361.045654 3496.313721,2370.241943 3495.707275,2379.378418
	C3495.527588,2382.084717 3492.793457,2384.621582 3489.687500,2387.580566
z"/>
<path fill="#3D4F76" opacity="1.000000" stroke="none"
	d="
M3475.406738,2119.421387
	C3476.754395,2116.493896 3477.811523,2113.384521 3479.506592,2110.674072
	C3484.018066,2103.458984 3488.803955,2096.415771 3495.600586,2088.540771
	C3498.449951,2087.783203 3499.178955,2087.789062 3500.512695,2089.146484
	C3509.046143,2103.847656 3511.534424,2119.139404 3515.399902,2133.736328
	C3523.006104,2162.458252 3529.413086,2191.532227 3535.266357,2220.671631
	C3539.159668,2240.052490 3541.135986,2259.813965 3544.168213,2279.374512
	C3545.481445,2287.848145 3546.874268,2296.357666 3549.114502,2304.611084
	C3549.849609,2307.320068 3553.367676,2309.273926 3555.613037,2311.573242
	C3555.687256,2312.306396 3555.761475,2313.039307 3555.863770,2314.876953
	C3546.147705,2322.359619 3536.403809,2328.737793 3524.049316,2334.867432
	C3516.558838,2331.071777 3515.954590,2325.953125 3515.951904,2320.446533
	C3515.948730,2313.820557 3516.220947,2307.103760 3515.269043,2300.587646
	C3513.272705,2286.925537 3510.663086,2273.348145 3508.106689,2259.773438
	C3503.232666,2233.891357 3498.662354,2207.939941 3493.116211,2182.200195
	C3489.087402,2163.503174 3483.751709,2145.084473 3478.838867,2126.584229
	C3478.171387,2124.070312 3476.573730,2121.802979 3475.406738,2119.421387
z"/>
<path fill="#334467" opacity="1.000000" stroke="none"
	d="
M3474.283447,2120.136230
	C3476.573730,2121.802979 3478.171387,2124.070312 3478.838867,2126.584229
	C3483.751709,2145.084473 3489.087402,2163.503174 3493.116211,2182.200195
	C3498.662354,2207.939941 3503.232666,2233.891357 3508.106689,2259.773438
	C3510.663086,2273.348145 3513.272705,2286.925537 3515.269043,2300.587646
	C3516.220947,2307.103760 3515.948730,2313.820557 3515.951904,2320.446533
	C3515.954590,2325.953125 3516.558838,2331.071777 3522.818848,2335.424072
	C3516.570801,2342.730713 3508.845459,2349.072998 3497.454834,2351.782959
	C3489.479004,2340.849365 3482.897949,2329.826660 3477.299561,2316.311768
	C3478.811279,2306.623535 3480.591064,2299.254883 3479.628662,2292.264404
	C3477.026855,2273.375244 3473.693359,2254.556641 3469.831787,2235.879395
	C3465.962646,2217.168213 3460.234863,2198.809814 3457.033203,2180.005127
	C3455.328613,2169.993896 3452.809326,2160.740967 3447.974121,2151.977783
	C3456.369385,2141.602051 3464.764893,2131.226562 3474.283447,2120.136230
z"/>
<path fill="#36476D" opacity="1.000000" stroke="none"
	d="
M3531.462891,2538.129883
	C3530.776611,2543.681152 3528.738037,2548.014160 3528.192383,2552.527588
	C3526.447510,2566.958008 3525.876221,2581.550293 3523.692383,2595.903320
	C3521.010742,2613.525879 3517.071045,2630.954346 3513.834473,2648.495850
	C3508.186279,2679.108887 3500.381836,2709.204102 3492.028320,2739.158447
	C3490.265869,2745.477783 3487.365967,2751.479980 3483.193848,2758.329590
	C3474.286377,2749.987793 3467.175537,2740.944580 3460.221924,2730.408691
	C3465.978760,2717.552246 3468.894531,2705.314209 3471.852783,2693.114258
	C3475.742432,2677.073730 3479.816406,2661.058350 3483.021240,2644.875977
	C3486.479736,2627.410889 3489.631104,2609.840088 3491.804688,2592.178467
	C3494.056396,2573.880127 3495.136719,2555.419189 3499.123291,2537.377441
	C3500.534668,2530.990479 3498.851562,2525.616211 3496.169678,2520.178711
	C3503.267090,2518.815674 3509.136963,2522.208496 3514.745361,2525.564209
	C3520.363525,2528.925049 3525.465820,2533.148438 3531.462891,2538.129883
z"/>
<path fill="#2D3C5E" opacity="1.000000" stroke="none"
	d="
M3495.111816,2520.550781
	C3498.851562,2525.616211 3500.534668,2530.990479 3499.123291,2537.377441
	C3495.136719,2555.419189 3494.056396,2573.880127 3491.804688,2592.178467
	C3489.631104,2609.840088 3486.479736,2627.410889 3483.021240,2644.875977
	C3479.816406,2661.058350 3475.742432,2677.073730 3471.852783,2693.114258
	C3468.894531,2705.314209 3465.978760,2717.552246 3459.126465,2729.939941
	C3454.735352,2728.587646 3451.596680,2726.211914 3448.458252,2723.836182
	C3444.663574,2718.038086 3440.868652,2712.239746 3436.717773,2703.681641
	C3442.759766,2674.833984 3450.374023,2648.962646 3455.060791,2622.571533
	C3457.544678,2608.585938 3462.335205,2594.414307 3459.721680,2579.709473
	C3464.860107,2570.116943 3470.016113,2560.533691 3475.131348,2550.928711
	C3479.363525,2542.981934 3483.547852,2535.009521 3487.994873,2525.652832
	C3490.175293,2523.145508 3492.114746,2522.034180 3495.111816,2520.550781
z"/>
<path fill="#0B2D73" opacity="1.000000" stroke="none"
	d="
M3550.788086,2448.571045
	C3551.991943,2474.775146 3551.987305,2501.564453 3551.959473,2530.242188
	C3538.188965,2526.311523 3528.788574,2514.545166 3516.798340,2506.285645
	C3511.478271,2502.621094 3510.865723,2497.219238 3514.503906,2492.208496
	C3525.387939,2477.218018 3534.725586,2460.922607 3550.788086,2448.571045
z"/>
<path fill="#0B2D73" opacity="1.000000" stroke="none"
	d="
M3550.755615,2336.514648
	C3551.964355,2361.422852 3551.966064,2386.929199 3551.924072,2414.334961
	C3549.395020,2415.422119 3546.250244,2415.309326 3544.529541,2413.686523
	C3531.080566,2401.002686 3520.564453,2386.132812 3511.531494,2369.461914
	C3523.859375,2357.295166 3535.794678,2346.166504 3550.755615,2336.514648
z"/>
<path fill="#1649A9" opacity="1.000000" stroke="none"
	d="
M3670.979980,2655.301758
	C3672.442627,2657.950928 3672.258545,2660.360840 3673.358887,2661.764160
	C3692.079834,2685.638916 3702.950195,2713.613770 3714.222168,2741.228516
	C3724.257324,2765.812744 3730.660156,2791.619629 3735.456299,2817.754639
	C3736.169434,2821.640137 3735.954834,2825.714355 3735.986328,2829.702637
	C3736.076416,2841.018066 3735.887939,2852.338623 3736.136963,2863.649658
	C3737.034180,2904.370361 3726.184082,2942.054932 3708.954590,2978.689697
	C3692.508057,3013.659668 3669.797852,3043.593506 3640.894775,3068.600586
	C3617.791748,3088.589111 3592.043213,3104.715088 3563.653076,3116.963623
	C3533.666992,3129.900635 3503.090332,3140.488281 3469.838379,3148.171387
	C3454.486572,3150.818848 3440.695557,3153.371094 3425.208496,3155.804688
	C3423.650879,3151.679932 3423.789795,3147.673828 3425.352051,3141.817871
	C3435.608154,3139.740234 3443.857178,3137.442627 3453.160400,3133.107666
	C3463.280762,3132.430664 3472.071533,3133.487549 3481.374512,3128.672852
	C3491.351074,3126.289551 3499.773193,3123.968994 3509.755615,3121.393555
	C3513.271484,3120.753174 3515.301025,3120.585449 3517.171631,3119.949951
	C3572.211426,3101.258789 3620.953857,3073.023193 3659.028076,3027.964844
	C3680.711670,3002.303223 3698.166260,2974.327881 3708.985107,2942.514893
	C3721.316650,2906.253418 3726.055176,2869.300781 3720.887207,2830.841309
	C3715.262207,2788.981934 3704.227295,2749.142578 3684.061523,2710.500977
	C3677.459961,2698.833008 3671.016113,2688.552734 3664.357178,2676.970703
	C3658.717285,2667.816162 3653.292725,2659.963135 3647.905273,2651.054932
	C3647.971680,2649.296631 3648.001465,2648.593262 3648.031250,2647.889648
	C3650.410645,2645.939941 3652.790283,2643.990234 3655.734375,2641.001709
	C3660.842529,2644.839844 3665.386475,2649.716797 3670.979980,2655.301758
z"/>
<path fill="#526997" opacity="1.000000" stroke="none"
	d="
M3507.556396,2792.046631
	C3510.236572,2789.302002 3513.948975,2787.008545 3515.385986,2783.720703
	C3518.552246,2776.477295 3520.975342,2768.838135 3522.985107,2761.172852
	C3530.682861,2731.811035 3539.280762,2702.610352 3545.202393,2672.883545
	C3549.175049,2652.938965 3555.000977,2633.327393 3556.542236,2612.755127
	C3557.420410,2601.032471 3560.229004,2589.384277 3560.562988,2577.442627
	C3560.640381,2574.679932 3563.822754,2572.004150 3566.967285,2568.482910
	C3579.297852,2575.374512 3590.557861,2582.696777 3597.667969,2595.169434
	C3590.239746,2601.539795 3588.784668,2609.048340 3588.424561,2615.907471
	C3587.934814,2625.234375 3585.572754,2634.111084 3584.424316,2643.204590
	C3581.281738,2668.079590 3575.038086,2692.319336 3569.354492,2716.581787
	C3563.062500,2743.442627 3553.909912,2769.635742 3545.934570,2796.098877
	C3543.839355,2803.051758 3541.910400,2810.104980 3539.103271,2816.774658
	C3537.383301,2820.861328 3534.137695,2824.306152 3530.436523,2827.384033
	C3522.049316,2815.167969 3514.802979,2803.607422 3507.556396,2792.046631
z"/>
<path fill="#5F79AB" opacity="1.000000" stroke="none"
	d="
M3531.577148,2828.039307
	C3534.137695,2824.306152 3537.383301,2820.861328 3539.103271,2816.774658
	C3541.910400,2810.104980 3543.839355,2803.051758 3545.934570,2796.098877
	C3553.909912,2769.635742 3563.062500,2743.442627 3569.354492,2716.581787
	C3575.038086,2692.319336 3581.281738,2668.079590 3584.424316,2643.204590
	C3585.572754,2634.111084 3587.934814,2625.234375 3588.424561,2615.907471
	C3588.784668,2609.048340 3590.239746,2601.539795 3598.023438,2596.445801
	C3608.387207,2603.311768 3617.833008,2609.925049 3623.535156,2622.808105
	C3620.831055,2630.246338 3616.961670,2634.713379 3616.382324,2639.572754
	C3613.798096,2661.246094 3609.275146,2682.459961 3604.163086,2703.650391
	C3595.481201,2739.635742 3587.062988,2775.665771 3574.592529,2810.594971
	C3568.140625,2828.666016 3561.776367,2846.768311 3554.284668,2864.062012
	C3546.334961,2853.829102 3539.472900,2844.391113 3532.496338,2833.792725
	C3532.113525,2831.101562 3531.845215,2829.570312 3531.577148,2828.039307
z"/>
<path fill="#6D8AC1" opacity="1.000000" stroke="none"
	d="
M3555.372559,2864.856445
	C3561.776367,2846.768311 3568.140625,2828.666016 3574.592529,2810.594971
	C3587.062988,2775.665771 3595.481201,2739.635742 3604.163086,2703.650391
	C3609.275146,2682.459961 3613.798096,2661.246094 3616.382324,2639.572754
	C3616.961670,2634.713379 3620.831055,2630.246338 3623.818604,2624.081543
	C3631.610596,2630.472412 3638.769775,2638.380371 3646.979980,2647.089111
	C3648.001465,2648.593262 3647.971680,2649.296631 3646.595703,2651.768311
	C3643.729736,2655.655029 3641.418701,2657.576904 3640.836670,2659.927246
	C3638.938232,2667.596924 3637.481445,2675.391846 3636.191895,2683.194092
	C3629.279053,2725.029053 3617.948730,2765.744385 3605.098389,2806.067383
	C3599.078125,2824.958252 3593.737305,2844.168213 3586.102051,2862.402100
	C3581.888184,2872.466553 3581.353760,2884.821777 3570.272949,2891.301514
	C3564.620361,2881.956055 3559.996582,2873.406250 3555.372559,2864.856445
z"/>
<path fill="#4F6694" opacity="1.000000" stroke="none"
	d="
M3556.452637,2310.565430
	C3553.367676,2309.273926 3549.849609,2307.320068 3549.114502,2304.611084
	C3546.874268,2296.357666 3545.481445,2287.848145 3544.168213,2279.374512
	C3541.135986,2259.813965 3539.159668,2240.052490 3535.266357,2220.671631
	C3529.413086,2191.532227 3523.006104,2162.458252 3515.399902,2133.736328
	C3511.534424,2119.139404 3509.046143,2103.847656 3501.077637,2087.937500
	C3506.759277,2076.510498 3510.795410,2066.400635 3521.095703,2060.592773
	C3523.756836,2062.652344 3525.802002,2063.841553 3526.376709,2065.531250
	C3532.323486,2083.009277 3539.058594,2100.307129 3543.605957,2118.156250
	C3554.956055,2162.706055 3567.124023,2207.129150 3572.219482,2253.023193
	C3577.759766,2264.507568 3573.737793,2278.168701 3580.495117,2289.375977
	C3574.292236,2297.863770 3566.207275,2304.187744 3556.452637,2310.565430
z"/>
<path fill="#5B73A4" opacity="1.000000" stroke="none"
	d="
M3581.746338,2288.825195
	C3573.737793,2278.168701 3577.759766,2264.507568 3572.219482,2253.023193
	C3567.124023,2207.129150 3554.956055,2162.706055 3543.605957,2118.156250
	C3539.058594,2100.307129 3532.323486,2083.009277 3526.376709,2065.531250
	C3525.802002,2063.841553 3523.756836,2062.652344 3521.347656,2059.262695
	C3525.414795,2050.177734 3530.529053,2043.061157 3537.119629,2036.098877
	C3547.246826,2038.152100 3549.323486,2045.644043 3551.399902,2052.424072
	C3557.758545,2073.187744 3563.991943,2094.008789 3569.476807,2115.015625
	C3576.117676,2140.449951 3582.317871,2166.014160 3588.007080,2191.677490
	C3592.692627,2212.815186 3596.112793,2234.232666 3600.725342,2255.388428
	C3601.437744,2258.655273 3605.537842,2261.183838 3608.071045,2264.053711
	C3602.390625,2274.898926 3591.228760,2280.069824 3581.746338,2288.825195
z"/>
<path fill="#637EB2" opacity="1.000000" stroke="none"
	d="
M3609.241699,2263.547852
	C3605.537842,2261.183838 3601.437744,2258.655273 3600.725342,2255.388428
	C3596.112793,2234.232666 3592.692627,2212.815186 3588.007080,2191.677490
	C3582.317871,2166.014160 3576.117676,2140.449951 3569.476807,2115.015625
	C3563.991943,2094.008789 3557.758545,2073.187744 3551.399902,2052.424072
	C3549.323486,2045.644043 3547.246826,2038.152100 3537.400391,2034.732544
	C3542.704834,2023.281128 3549.204834,2013.350586 3556.300293,2004.754150
	C3561.828369,2017.641968 3567.669434,2028.902222 3571.516357,2040.806763
	C3581.270996,2070.993408 3590.198486,2101.448730 3599.312744,2131.839600
	C3602.347656,2141.960693 3606.476074,2152.072998 3607.425781,2162.434814
	C3609.547852,2185.578125 3618.543945,2207.282959 3620.387451,2230.397461
	C3620.799316,2235.562012 3624.573242,2238.436035 3628.879639,2240.625244
	C3625.865723,2245.553955 3622.851807,2250.482666 3619.487305,2256.514404
	C3616.228516,2259.425537 3613.320312,2261.233643 3609.241699,2263.547852
z"/>
<path fill="#174BAC" opacity="1.000000" stroke="none"
	d="
M2683.918213,1203.789673
	C2682.927490,1200.587646 2681.937012,1197.385498 2680.469727,1192.993408
	C2692.828857,1179.675537 2708.892822,1172.817627 2724.680176,1166.111816
	C2754.629395,1153.390381 2785.607178,1144.351929 2818.013428,1139.027222
	C2840.709961,1135.297729 2863.334961,1134.581055 2885.520020,1136.730957
	C2919.081787,1139.983154 2952.003174,1147.070801 2982.859131,1162.921021
	C3010.991943,1177.372314 3037.433105,1193.832397 3058.511963,1217.174438
	C3079.368652,1240.270752 3098.964111,1264.548584 3112.766602,1293.049194
	C3123.801758,1315.835205 3134.869385,1338.493774 3141.562012,1363.003296
	C3142.774902,1367.444946 3143.344482,1372.062622 3142.729980,1378.265381
	C3138.240967,1379.965332 3135.233154,1379.998657 3131.545410,1378.846069
	C3128.559326,1371.773071 3126.252930,1365.885986 3123.843262,1358.515137
	C3105.477783,1302.314331 3077.011230,1254.014771 3033.604492,1215.375977
	C2992.542725,1178.824707 2944.515381,1157.157593 2889.742188,1152.335815
	C2828.462891,1146.941406 2770.620850,1160.205811 2714.676025,1188.475586
	C2703.519043,1193.749512 2693.718506,1198.769531 2683.918213,1203.789673
z"/>
<path fill="#103F9A" opacity="1.000000" stroke="none"
	d="
M3132.225098,1380.032104
	C3135.233154,1379.998657 3138.240967,1379.965332 3142.758301,1379.869873
	C3149.535156,1387.283691 3149.501221,1396.428101 3152.235840,1406.241699
	C3154.903076,1424.072266 3157.450195,1440.400146 3159.911621,1458.447510
	C3155.992920,1460.109131 3152.159668,1460.051636 3146.425293,1459.955322
	C3144.524170,1459.916382 3143.624756,1460.057983 3143.760742,1458.352661
	C3144.162354,1445.510742 3143.571533,1434.486572 3139.679932,1422.407837
	C3137.824707,1412.477661 3135.894287,1404.044312 3133.644287,1394.066528
	C3132.958252,1388.358643 3132.591797,1384.195435 3132.225098,1380.032104
z"/>
<path fill="#061232" opacity="1.000000" stroke="none"
	d="
M3100.345459,1623.545898
	C3099.921387,1628.397827 3102.063721,1632.130737 3105.430908,1635.365356
	C3109.187256,1638.973633 3112.356689,1642.893066 3110.465332,1650.110352
	C3107.263184,1650.989014 3105.489990,1650.333740 3103.128906,1649.112549
	C3101.520020,1647.996704 3100.457764,1647.899780 3097.928955,1648.361938
	C3093.720215,1647.868286 3090.936523,1647.268555 3087.408203,1645.715942
	C3084.335449,1644.580200 3082.007324,1644.397583 3078.203613,1644.182861
	C3073.868896,1643.478760 3071.009033,1642.806763 3067.411865,1641.246460
	C3064.439209,1640.241455 3062.204102,1640.124756 3058.638428,1639.985840
	C3055.588623,1639.552124 3053.869385,1639.140625 3051.373535,1637.775513
	C3048.227783,1636.667480 3045.858887,1636.513306 3041.867676,1636.325439
	C3022.849609,1633.778442 3005.453125,1631.265259 2986.853027,1628.259521
	C2983.919922,1627.696045 2982.190186,1627.625122 2979.336670,1626.857300
	C2974.778076,1625.319092 2971.343506,1624.477661 2967.767090,1622.261719
	C2965.159180,1617.961426 2963.238770,1614.137573 2960.139404,1612.254150
	C2938.102539,1598.864258 2916.313965,1584.935669 2893.495605,1572.996460
	C2867.104492,1559.187988 2839.742188,1547.235229 2812.789307,1534.502808
	C2810.999023,1533.657104 2809.127441,1532.966309 2807.254639,1532.316162
	C2778.506836,1522.339233 2749.924072,1511.843506 2720.943115,1502.596436
	C2699.581787,1495.780640 2677.730713,1490.477661 2656.028809,1484.762817
	C2648.888916,1482.882568 2647.763428,1483.956299 2642.596191,1493.049072
	C2641.672607,1492.883545 2639.801270,1492.738892 2639.067383,1491.623169
	C2631.958496,1485.721069 2625.583984,1480.934692 2618.524902,1475.028809
	C2611.539062,1469.407227 2605.241943,1464.899170 2598.935059,1460.404419
	C2584.103271,1449.834351 2569.266846,1439.270630 2555.690430,1428.038086
	C2559.969238,1425.390015 2564.268066,1421.011108 2565.797607,1421.826538
	C2573.956055,1426.177002 2580.672607,1420.321777 2589.190186,1420.459473
	C2593.504639,1422.001465 2596.646729,1423.077271 2600.438721,1425.331055
	C2609.115234,1433.350342 2616.903564,1440.499634 2625.230713,1446.953247
	C2635.132324,1454.627075 2645.494385,1461.707031 2655.662354,1469.036743
	C2660.420898,1472.467041 2666.609619,1473.767456 2670.466553,1470.029175
	C2679.909424,1460.877197 2693.000977,1455.863281 2701.044434,1443.415527
	C2706.784180,1439.249146 2711.376221,1435.606812 2717.473145,1432.141724
	C2722.750732,1433.570312 2726.523193,1434.823242 2730.296631,1436.072754
	C2761.072510,1446.261719 2792.264893,1455.260742 2822.136475,1468.039551
	C2836.752930,1474.292603 2851.217773,1480.911011 2865.927734,1486.932617
	C2885.588623,1494.980713 2903.817871,1505.813721 2922.732178,1515.312378
	C2932.166748,1520.050537 2942.070557,1523.854614 2951.852051,1529.652832
	C2952.109863,1535.422119 2952.277344,1539.619751 2952.303223,1545.533203
	C2954.061768,1562.780518 2955.961914,1578.312256 2957.962402,1594.663452
	C2977.258545,1597.821045 2995.969238,1601.034668 3014.733154,1603.895752
	C3025.764648,1605.577881 3036.881348,1606.700439 3049.342773,1608.674316
	C3061.301514,1612.435791 3071.809570,1615.857056 3082.485352,1618.633179
	C3086.814209,1619.758911 3091.508301,1619.478516 3096.896973,1620.279663
	C3098.862305,1621.440918 3099.725098,1622.382446 3100.345459,1623.545898
z"/>
<path fill="#D6E2F8" opacity="1.000000" stroke="none"
	d="
M3103.716797,1649.678467
	C3105.489990,1650.333740 3107.263184,1650.989014 3110.471191,1651.548218
	C3135.265869,1658.808716 3159.027588,1663.897705 3183.605957,1664.894287
	C3190.044189,1665.155518 3196.875488,1663.626587 3203.640381,1668.090576
	C3207.267578,1678.194702 3206.479492,1689.549683 3208.051758,1700.540527
	C3209.639160,1711.635132 3211.706055,1722.661255 3214.425293,1736.614502
	C3221.494141,1766.058594 3228.035400,1792.532959 3233.804688,1819.174561
	C3238.723633,1841.888550 3244.550781,1864.520874 3242.989502,1887.896240
	C3236.412842,1886.910889 3233.865479,1883.290039 3231.511719,1879.038818
	C3228.644531,1873.859741 3225.601074,1868.675171 3221.910156,1864.073242
	C3208.696045,1847.597778 3195.166016,1831.375854 3181.774902,1815.041992
	C3170.904541,1801.783691 3160.573242,1788.041504 3149.105957,1775.322876
	C3122.005127,1745.263550 3090.566406,1719.679688 3061.455322,1691.683594
	C3060.507812,1690.772217 3059.351562,1690.077393 3058.292236,1689.282471
	C3036.647217,1673.042847 3015.121826,1656.639160 2993.259277,1640.697998
	C2988.716064,1637.385010 2988.024902,1633.496460 2988.056885,1628.752075
	C3005.453125,1631.265259 3022.849609,1633.778442 3042.772217,1637.098999
	C3047.582520,1638.180664 3049.866211,1638.454956 3052.150146,1638.729248
	C3053.869385,1639.140625 3055.588623,1639.552124 3059.521973,1640.667969
	C3063.873779,1641.626709 3066.011719,1641.880737 3068.149414,1642.134766
	C3071.009033,1642.806763 3073.868896,1643.478760 3079.081543,1644.958618
	C3083.673828,1646.067261 3085.913330,1646.368164 3088.152588,1646.668945
	C3090.936523,1647.268555 3093.720215,1647.868286 3098.476074,1649.043701
	C3100.447754,1649.619263 3102.071533,1650.249146 3102.071533,1650.249146
	C3102.071533,1650.249146 3103.716797,1649.678589 3103.716797,1649.678467
z"/>
<path fill="#394B70" opacity="1.000000" stroke="none"
	d="
M3259.718018,1739.682617
	C3261.316406,1738.659302 3262.804199,1737.028931 3264.531738,1736.713989
	C3273.945557,1734.998291 3283.418213,1733.606445 3294.596924,1733.559570
	C3299.577881,1740.710815 3302.291016,1746.811279 3306.191895,1752.022827
	C3316.886230,1766.311646 3328.714111,1779.781982 3338.951904,1794.376953
	C3365.598633,1832.365356 3389.017578,1872.405762 3412.040527,1912.652710
	C3414.548096,1917.036011 3414.815674,1922.700684 3414.556152,1927.862549
	C3405.902832,1926.894165 3398.815674,1925.834473 3390.102295,1924.603516
	C3383.041504,1924.136597 3377.606934,1923.840820 3372.127197,1922.010620
	C3372.605713,1913.571289 3370.245117,1907.464966 3366.692383,1901.764648
	C3354.852295,1882.769165 3343.193359,1863.654541 3331.005859,1844.883667
	C3310.934814,1813.970581 3288.851807,1784.489868 3265.627686,1755.894775
	C3261.535156,1750.855957 3259.705811,1745.811279 3259.718018,1739.682617
z"/>
<path fill="#465A84" opacity="1.000000" stroke="none"
	d="
M3416.122314,1927.771240
	C3414.815674,1922.700684 3414.548096,1917.036011 3412.040527,1912.652710
	C3389.017578,1872.405762 3365.598633,1832.365356 3338.951904,1794.376953
	C3328.714111,1779.781982 3316.886230,1766.311646 3306.191895,1752.022827
	C3302.291016,1746.811279 3299.577881,1740.710815 3296.201416,1733.624268
	C3303.085449,1731.165283 3310.090820,1730.098145 3318.497314,1728.459717
	C3324.232178,1727.966675 3328.566406,1728.044678 3334.492432,1729.701050
	C3336.281494,1739.000610 3340.301758,1745.024902 3344.715820,1750.905029
	C3353.423828,1762.505127 3362.699463,1773.738647 3370.629150,1785.851196
	C3387.266846,1811.265503 3403.579590,1836.912964 3419.256592,1862.928467
	C3429.143555,1879.336182 3437.659180,1896.571777 3446.745361,1913.460083
	C3449.902100,1919.327637 3452.794922,1925.302124 3450.215820,1932.309082
	C3437.733398,1930.805664 3426.927734,1929.288452 3416.122314,1927.771240
z"/>
<path fill="#394B70" opacity="1.000000" stroke="none"
	d="
M3140.070557,1576.051758
	C3141.246826,1585.969604 3138.270752,1595.305054 3134.389648,1606.362915
	C3120.750488,1609.160522 3113.216553,1600.753784 3104.840332,1594.612061
	C3088.295898,1582.481445 3072.645020,1569.070312 3055.668213,1557.604980
	C3028.744141,1539.421753 3001.184082,1522.160278 2973.550049,1505.063477
	C2966.934326,1500.970581 2958.966797,1499.062378 2950.601318,1495.000977
	C2947.841309,1481.195435 2946.101318,1468.538452 2945.769043,1456.072266
	C2958.236572,1462.237305 2969.519531,1467.836426 2980.312256,1474.259766
	C3007.066895,1490.182983 3034.155762,1505.643921 3060.049072,1522.884644
	C3082.594238,1537.895996 3103.806885,1554.932251 3125.327881,1571.438965
	C3129.949951,1574.984131 3134.635010,1576.182861 3140.070557,1576.051758
z"/>
<path fill="#465A84" opacity="1.000000" stroke="none"
	d="
M3140.621094,1574.689941
	C3134.635010,1576.182861 3129.949951,1574.984131 3125.327881,1571.438965
	C3103.806885,1554.932251 3082.594238,1537.895996 3060.049072,1522.884644
	C3034.155762,1505.643921 3007.066895,1490.182983 2980.312256,1474.259766
	C2969.519531,1467.836426 2958.236572,1462.237305 2945.596680,1454.759888
	C2942.847412,1450.079712 2941.678223,1446.902710 2940.492920,1442.075684
	C2940.401855,1434.922485 2940.326904,1429.419556 2941.748047,1423.962891
	C2948.824463,1426.002319 2954.804443,1427.274536 2959.917236,1430.110474
	C2984.878174,1443.955444 3009.897705,1457.737549 3034.321045,1472.494385
	C3051.886963,1483.107910 3068.649658,1495.070801 3085.579834,1506.709473
	C3098.682861,1515.717163 3111.683105,1524.900146 3124.343262,1534.513794
	C3130.291016,1539.030273 3136.124756,1543.124268 3143.741943,1543.881348
	C3143.841553,1546.934937 3143.941162,1549.988525 3144.149902,1554.568481
	C3143.229980,1561.839233 3142.200684,1567.583740 3140.621094,1574.689941
z"/>
<path fill="#2D3C5E" opacity="1.000000" stroke="none"
	d="
M3258.347412,1739.740479
	C3259.705811,1745.811279 3261.535156,1750.855957 3265.627686,1755.894775
	C3288.851807,1784.489868 3310.934814,1813.970581 3331.005859,1844.883667
	C3343.193359,1863.654541 3354.852295,1882.769165 3366.692383,1901.764648
	C3370.245117,1907.464966 3372.605713,1913.571289 3370.447021,1922.164062
	C3356.572266,1922.510498 3344.333008,1921.169312 3332.040039,1918.347656
	C3330.595703,1912.485840 3330.043701,1907.577393 3327.676758,1903.808960
	C3312.874023,1880.239990 3297.877930,1856.784546 3282.456787,1833.616943
	C3278.138428,1827.129272 3273.214111,1820.295776 3262.842285,1818.948242
	C3259.289307,1805.752441 3257.247070,1793.552246 3254.226807,1781.599365
	C3251.362305,1770.263916 3247.472900,1759.187622 3244.034180,1747.997314
	C3246.467773,1742.295776 3250.843262,1739.659546 3258.347412,1739.740479
z"/>
<path fill="#09183A" opacity="1.000000" stroke="none"
	d="
M3242.605957,1747.843994
	C3247.472900,1759.187622 3251.362305,1770.263916 3254.226807,1781.599365
	C3257.247070,1793.552246 3259.289307,1805.752441 3262.847168,1820.611816
	C3265.926270,1834.216797 3268.260986,1845.005127 3269.826416,1855.903931
	C3272.126709,1871.920166 3277.309814,1887.591797 3274.495117,1903.915527
	C3267.442139,1899.326416 3261.801758,1894.827515 3256.031982,1890.501221
	C3252.671143,1887.981323 3249.922852,1889.218750 3247.133789,1891.736328
	C3246.217529,1889.760864 3245.521484,1888.757935 3244.418945,1888.037354
	C3244.550781,1864.520874 3238.723633,1841.888550 3233.804688,1819.174561
	C3228.035400,1792.532959 3221.494141,1766.058594 3215.356689,1737.852661
	C3221.560547,1735.547119 3226.893311,1736.812988 3231.552246,1741.371216
	C3234.244873,1744.005127 3237.935791,1745.618164 3242.605957,1747.843994
z"/>
<path fill="#334467" opacity="1.000000" stroke="none"
	d="
M2951.621094,1496.149536
	C2958.966797,1499.062378 2966.934326,1500.970581 2973.550049,1505.063477
	C3001.184082,1522.160278 3028.744141,1539.421753 3055.668213,1557.604980
	C3072.645020,1569.070312 3088.295898,1582.481445 3104.840332,1594.612061
	C3113.216553,1600.753784 3120.750488,1609.160522 3134.252930,1607.962646
	C3134.079346,1613.994385 3132.386230,1620.043579 3130.447021,1626.971680
	C3120.853516,1625.797363 3112.214355,1624.739868 3101.960205,1623.614014
	C3099.725098,1622.382446 3098.862305,1621.440918 3096.863525,1618.845703
	C3094.671875,1614.103882 3094.109619,1610.370361 3091.940918,1608.531250
	C3084.908203,1602.567871 3077.155762,1597.464478 3069.914551,1591.734009
	C3038.264160,1566.686890 3004.471924,1544.855591 2969.546631,1524.731445
	C2963.919434,1521.489014 2957.933350,1518.869019 2952.046387,1514.308716
	C2951.860107,1507.153809 2951.740479,1501.651733 2951.621094,1496.149536
z"/>
<path fill="#5F79AB" opacity="1.000000" stroke="none"
	d="
M3368.000000,1728.022705
	C3380.162354,1727.986206 3392.324951,1727.949707 3406.291992,1729.645264
	C3407.870361,1740.200562 3414.467773,1745.784180 3418.764893,1752.104980
	C3451.844482,1800.760864 3481.965332,1851.117310 3507.987061,1903.905396
	C3510.031738,1908.053101 3511.916016,1912.377075 3514.603516,1916.091797
	C3521.480225,1925.597412 3524.244385,1936.176147 3522.519043,1947.797974
	C3510.011230,1945.156128 3499.068848,1942.426636 3488.090820,1938.142700
	C3488.822754,1928.862793 3485.464355,1922.321899 3481.920898,1915.909424
	C3468.811768,1892.184326 3455.793701,1868.405884 3442.395020,1844.844360
	C3423.398926,1811.439453 3402.266113,1779.437622 3379.283936,1748.607056
	C3374.709961,1742.471313 3368.320801,1736.735962 3368.000000,1728.022705
z"/>
<path fill="#6C88BF" opacity="1.000000" stroke="none"
	d="
M3524.084229,1947.710205
	C3524.244385,1936.176147 3521.480225,1925.597412 3514.603516,1916.091797
	C3511.916016,1912.377075 3510.031738,1908.053101 3507.987061,1903.905396
	C3481.965332,1851.117310 3451.844482,1800.760864 3418.764893,1752.104980
	C3414.467773,1745.784180 3407.870361,1740.200562 3408.092773,1729.946289
	C3419.107422,1727.602417 3430.020264,1728.076904 3442.329590,1730.960205
	C3444.399170,1732.113281 3445.164307,1733.085205 3447.042969,1736.047852
	C3449.099609,1741.963257 3449.751221,1745.994263 3451.649658,1749.312134
	C3457.244385,1759.090454 3463.263184,1768.630005 3469.243164,1778.183472
	C3481.535400,1797.820801 3493.864990,1817.380737 3505.390381,1837.541138
	C3525.230469,1872.245483 3541.598389,1908.492310 3558.083496,1944.747559
	C3559.651611,1948.196167 3559.334717,1952.501587 3558.319092,1956.431885
	C3545.858398,1953.539795 3534.971436,1950.625000 3524.084229,1947.710205
z"/>
<path fill="#526997" opacity="1.000000" stroke="none"
	d="
M3366.231445,1727.874512
	C3368.320801,1736.735962 3374.709961,1742.471313 3379.283936,1748.607056
	C3402.266113,1779.437622 3423.398926,1811.439453 3442.395020,1844.844360
	C3455.793701,1868.405884 3468.811768,1892.184326 3481.920898,1915.909424
	C3485.464355,1922.321899 3488.822754,1928.862793 3486.729980,1938.283447
	C3483.585938,1940.065186 3481.767090,1940.151611 3478.604004,1939.634521
	C3468.804199,1936.785767 3460.348389,1934.540527 3451.892578,1932.295166
	C3452.794922,1925.302124 3449.902100,1919.327637 3446.745361,1913.460083
	C3437.659180,1896.571777 3429.143555,1879.336182 3419.256592,1862.928467
	C3403.579590,1836.912964 3387.266846,1811.265503 3370.629150,1785.851196
	C3362.699463,1773.738647 3353.423828,1762.505127 3344.715820,1750.905029
	C3340.301758,1745.024902 3336.281494,1739.000610 3336.111572,1729.823242
	C3345.580078,1728.153564 3355.021729,1727.939819 3366.231445,1727.874512
z"/>
<path fill="#4F6694" opacity="1.000000" stroke="none"
	d="
M3143.870117,1542.275879
	C3136.124756,1543.124268 3130.291016,1539.030273 3124.343262,1534.513794
	C3111.683105,1524.900146 3098.682861,1515.717163 3085.579834,1506.709473
	C3068.649658,1495.070801 3051.886963,1483.107910 3034.321045,1472.494385
	C3009.897705,1457.737549 2984.878174,1443.955444 2959.917236,1430.110474
	C2954.804443,1427.274536 2948.824463,1426.002319 2941.442139,1422.433838
	C2938.379639,1412.585938 2937.119141,1404.313477 2937.379883,1396.044067
	C2944.459717,1397.953491 2950.351562,1399.214844 2955.517822,1401.881592
	C2974.865479,1411.869141 2994.214844,1421.898560 3013.104492,1432.714233
	C3030.246338,1442.529175 3047.055176,1452.987793 3063.535156,1463.882202
	C3087.160400,1479.499878 3110.425781,1495.667480 3133.662109,1511.862427
	C3137.727539,1514.696167 3141.697754,1516.217041 3146.524414,1515.711914
	C3145.682373,1524.031372 3144.840332,1532.350952 3143.870117,1542.275879
z"/>
<path fill="#5B73A4" opacity="1.000000" stroke="none"
	d="
M3146.870850,1514.119629
	C3141.697754,1516.217041 3137.727539,1514.696167 3133.662109,1511.862427
	C3110.425781,1495.667480 3087.160400,1479.499878 3063.535156,1463.882202
	C3047.055176,1452.987793 3030.246338,1442.529175 3013.104492,1432.714233
	C2994.214844,1421.898560 2974.865479,1411.869141 2955.517822,1401.881592
	C2950.351562,1399.214844 2944.459717,1397.953491 2936.801758,1394.755371
	C2932.493652,1386.303955 2930.284912,1379.144287 2928.294922,1370.937744
	C2928.726562,1369.210449 2928.939941,1368.530029 2930.594238,1367.914062
	C2936.370605,1369.473145 2940.893799,1370.571655 2945.011963,1372.524414
	C2980.851562,1389.517944 3015.988770,1407.898071 3049.564697,1429.012939
	C3072.422607,1443.387451 3094.245117,1459.400757 3116.975098,1473.988892
	C3125.659668,1479.562622 3133.263428,1487.990356 3144.925293,1487.762207
	C3149.838623,1495.633179 3146.931396,1504.228027 3146.870850,1514.119629
z"/>
<path fill="#637EB2" opacity="1.000000" stroke="none"
	d="
M3144.882324,1486.027344
	C3133.263428,1487.990356 3125.659668,1479.562622 3116.975098,1473.988892
	C3094.245117,1459.400757 3072.422607,1443.387451 3049.564697,1429.012939
	C3015.988770,1407.898071 2980.851562,1389.517944 2945.011963,1372.524414
	C2940.893799,1370.571655 2936.370605,1369.473145 2930.169434,1366.430176
	C2926.941895,1357.903320 2925.579834,1350.924927 2925.773438,1343.960449
	C2935.076904,1343.150024 2941.576172,1346.618896 2948.080322,1350.037231
	C2972.811035,1363.034790 2997.564453,1375.989380 3022.252930,1389.067139
	C3051.049072,1404.320679 3078.614502,1421.614868 3105.678223,1439.728027
	C3113.960693,1445.271240 3122.026367,1451.184082 3130.614990,1456.202759
	C3134.407471,1458.418823 3139.255859,1458.828247 3143.624756,1460.057983
	C3143.624756,1460.057983 3144.524170,1459.916382 3144.985107,1459.909180
	C3145.243896,1468.032104 3145.041748,1476.162231 3144.882324,1486.027344
z"/>
<path fill="#174BAC" opacity="1.000000" stroke="none"
	d="
M3151.655762,3467.744141
	C3145.048096,3500.385986 3134.145752,3531.745605 3120.559570,3561.952637
	C3103.238037,3600.464600 3079.180664,3634.700195 3047.116943,3662.532227
	C3011.484619,3693.461670 2970.341553,3714.696777 2924.827637,3726.781250
	C2910.907227,3730.477295 2896.442871,3733.270020 2881.586182,3732.227295
	C2870.994629,3731.483887 2860.305664,3731.945068 2849.664551,3732.121094
	C2824.225830,3732.541992 2799.658447,3727.539307 2775.450684,3720.352051
	C2746.719971,3711.821533 2719.151123,3700.408936 2692.724121,3686.284180
	C2688.674316,3684.119629 2684.994141,3681.263428 2681.476562,3676.766846
	C2682.589355,3672.398926 2683.368896,3669.991455 2685.152100,3667.637207
	C2686.817139,3667.578369 2687.478027,3667.466064 2689.453125,3667.732178
	C2697.918457,3671.751221 2705.069092,3675.391357 2713.372559,3679.917236
	C2746.983887,3696.681641 2780.716797,3708.437744 2816.680664,3713.520264
	C2852.571777,3718.592529 2888.348877,3719.396729 2923.905518,3711.526367
	C2974.235352,3700.385986 3016.751465,3675.231445 3051.470947,3637.431396
	C3074.572754,3612.280029 3093.267334,3583.847656 3107.494141,3552.729248
	C3114.675781,3537.021484 3122.243164,3521.358398 3126.323975,3503.094238
	C3129.764893,3492.091553 3132.376709,3482.145020 3135.466553,3471.420898
	C3136.421143,3469.501953 3137.148926,3468.554199 3139.822754,3467.845703
	C3144.896729,3467.842773 3148.276367,3467.793457 3151.655762,3467.744141
z"/>
<path fill="#0D3585" opacity="1.000000" stroke="none"
	d="
M3151.759766,3466.813965
	C3148.276367,3467.793457 3144.896729,3467.842773 3140.205566,3466.133301
	C3139.477295,3456.260254 3140.060547,3448.145996 3141.628418,3438.793457
	C3143.190674,3426.395264 3143.768555,3415.235596 3145.265625,3403.156738
	C3146.793701,3398.822021 3147.402588,3395.406006 3149.501953,3391.993164
	C3153.968018,3391.980225 3156.944092,3391.964355 3159.919922,3391.948486
	C3159.963379,3393.782471 3160.006836,3395.616211 3160.141113,3398.826904
	C3159.792969,3420.684814 3155.726807,3440.670654 3152.000000,3462.359131
	C3152.032227,3464.020020 3151.863525,3465.883789 3151.759766,3466.813965
z"/>
<path fill="#123E92" opacity="1.000000" stroke="none"
	d="
M2684.148193,3667.583740
	C2683.368896,3669.991455 2682.589355,3672.398926 2680.769043,3675.591553
	C2672.235352,3677.601318 2668.343750,3671.162842 2661.366699,3668.098389
	C2658.927979,3665.944580 2657.853516,3664.079590 2656.568848,3659.787842
	C2658.176514,3655.288818 2659.994385,3653.216797 2663.018066,3651.480469
	C2670.865234,3657.072021 2677.506836,3662.327881 2684.148193,3667.583740
z"/>
<path fill="#103C8D" opacity="1.000000" stroke="none"
	d="
M2661.812500,3651.144775
	C2659.994385,3653.216797 2658.176514,3655.288818 2656.137939,3658.793945
	C2652.375488,3658.641357 2648.690918,3657.310059 2645.323242,3655.415527
	C2639.055176,3651.889160 2632.971924,3648.034912 2625.425293,3644.129639
	C2620.838623,3640.082275 2617.525879,3636.308838 2614.474609,3632.334717
	C2612.211914,3629.387939 2610.289062,3626.179932 2608.080811,3621.792969
	C2609.071289,3618.264160 2610.195557,3616.030762 2612.903320,3613.191406
	C2617.783447,3614.757568 2621.080322,3616.929688 2625.380371,3620.008057
	C2636.294678,3628.557861 2646.206055,3636.200928 2656.671875,3644.860352
	C2658.755127,3647.632324 2660.283936,3649.388672 2661.812500,3651.144775
z"/>
<path fill="#D6E2F8" opacity="1.000000" stroke="none"
	d="
M3244.549805,2979.937988
	C3244.787842,3004.078613 3238.497070,3027.254883 3233.832520,3050.637939
	C3229.419434,3072.759766 3224.203125,3094.721436 3219.364746,3118.415283
	C3211.865479,3139.391357 3209.763184,3159.752441 3208.010986,3180.146240
	C3207.505615,3186.028076 3207.933594,3191.990479 3207.933594,3198.864258
	C3202.705322,3200.306641 3198.521729,3202.259521 3194.238770,3202.509033
	C3171.656982,3203.825439 3149.558594,3208.072754 3124.626465,3213.615479
	C3113.211670,3216.535156 3104.679688,3218.574951 3094.911865,3220.365234
	C3091.486816,3221.169189 3089.298096,3222.222412 3085.529785,3223.417480
	C3080.742432,3224.229248 3077.539307,3224.923340 3074.325195,3225.564453
	C3056.366211,3229.147705 3038.404785,3232.718506 3019.309326,3235.967285
	C3016.112793,3236.502197 3014.051025,3237.363525 3010.467529,3238.708008
	C3004.707520,3239.522461 3000.469482,3239.853760 2994.931641,3239.781982
	C2991.825439,3239.215332 2990.019287,3239.051758 2988.348145,3237.568848
	C2990.827393,3233.121094 2992.674316,3229.383057 2995.615479,3226.988037
	C3002.263916,3221.573730 3009.500244,3216.887695 3016.412598,3211.790527
	C3047.857178,3188.603516 3078.274658,3164.205811 3105.750244,3136.307617
	C3120.202148,3121.633789 3134.607666,3106.899902 3149.480957,3092.659424
	C3170.145264,3072.874268 3186.472168,3049.512207 3204.217041,3027.331543
	C3214.950928,3013.914062 3224.941162,2999.889404 3234.947021,2985.909912
	C3237.492432,2982.353760 3240.223145,2980.129639 3244.549805,2979.937988
z"/>
<path fill="#445881" opacity="1.000000" stroke="none"
	d="
M3332.054443,3139.925537
	C3323.893311,3139.888428 3315.732178,3139.851562 3305.826172,3139.838623
	C3300.573730,3135.636963 3295.611084,3136.361084 3289.644531,3134.516602
	C3291.585205,3127.312744 3294.303223,3121.193848 3298.212891,3115.966309
	C3308.933105,3101.631592 3320.931641,3088.202148 3331.007568,3073.447021
	C3348.984863,3047.122070 3366.091553,3020.194336 3383.203613,2993.290527
	C3389.613037,2983.213379 3395.331299,2972.657227 3400.763672,2962.012939
	C3403.732910,2956.195068 3405.446289,2949.736084 3408.798584,2942.636719
	C3417.275146,2939.897217 3424.678955,2938.087402 3433.745117,2936.290771
	C3440.954590,2936.244141 3446.501953,2936.184814 3451.881836,2937.558105
	C3441.659180,2958.284180 3431.047119,2977.312012 3421.702637,2996.943604
	C3412.005127,3017.317627 3399.372314,3035.877930 3387.148926,3054.609375
	C3371.690430,3078.298584 3354.737061,3101.031250 3337.909912,3123.793213
	C3334.143311,3128.887939 3331.445801,3133.604736 3332.054443,3139.925537
z"/>
<path fill="#394B70" opacity="1.000000" stroke="none"
	d="
M3132.218018,3251.805664
	C3137.889893,3264.757568 3140.216309,3278.374512 3138.774170,3294.206543
	C3133.598389,3297.281250 3129.064453,3297.629639 3126.429199,3300.047607
	C3107.789795,3317.148682 3086.205811,3330.231934 3065.911133,3345.051514
	C3033.184326,3368.950684 2997.354248,3387.872559 2962.578125,3408.468994
	C2956.958008,3411.797607 2950.441895,3413.613281 2944.221191,3414.449951
	C2945.711914,3400.300537 2947.217041,3387.814209 2949.015625,3375.370850
	C2949.386475,3372.803223 2950.849609,3370.393311 2953.308838,3367.919922
	C2956.774658,3367.698486 2959.099365,3368.070312 2960.653320,3367.145996
	C2982.742432,3354.001465 3005.028320,3341.151367 3026.667969,3327.294922
	C3059.970215,3305.970947 3090.431152,3280.744141 3121.672852,3256.598877
	C3124.646484,3254.300537 3128.677979,3253.370850 3132.218018,3251.805664
z"/>
<path fill="#36476D" opacity="1.000000" stroke="none"
	d="
M3407.726074,2943.566406
	C3405.446289,2949.736084 3403.732910,2956.195068 3400.763672,2962.012939
	C3395.331299,2972.657227 3389.613037,2983.213379 3383.203613,2993.290527
	C3366.091553,3020.194336 3348.984863,3047.122070 3331.007568,3073.447021
	C3320.931641,3088.202148 3308.933105,3101.631592 3298.212891,3115.966309
	C3294.303223,3121.193848 3291.585205,3127.312744 3288.207764,3134.422363
	C3275.864502,3134.044434 3263.636963,3132.269531 3251.819824,3130.553955
	C3246.545898,3126.171387 3248.352295,3120.620850 3249.541504,3113.649902
	C3260.149658,3108.234619 3265.668457,3100.628906 3271.298828,3093.268066
	C3277.330078,3085.383057 3282.751221,3077.024414 3288.909180,3069.244629
	C3312.425781,3039.534180 3332.774658,3007.686768 3352.108643,2975.199219
	C3357.133789,2966.755859 3360.082520,2957.076904 3365.609375,2947.742188
	C3380.336182,2942.155273 3394.188965,2944.477539 3407.726074,2943.566406
z"/>
<path fill="#475C86" opacity="1.000000" stroke="none"
	d="
M2944.339844,3416.128418
	C2950.441895,3413.613281 2956.958008,3411.797607 2962.578125,3408.468994
	C2997.354248,3387.872559 3033.184326,3368.950684 3065.911133,3345.051514
	C3086.205811,3330.231934 3107.789795,3317.148682 3126.429199,3300.047607
	C3129.064453,3297.629639 3133.598389,3297.281250 3138.745605,3295.910156
	C3140.598145,3297.084961 3141.242676,3298.153564 3142.942383,3299.591309
	C3143.874756,3309.570801 3144.035889,3319.009766 3142.689697,3330.361572
	C3132.106934,3337.576416 3122.133789,3341.787598 3114.123535,3348.382812
	C3089.584961,3368.585449 3063.299072,3386.066650 3035.931152,3402.079834
	C3015.422852,3414.079834 2995.141357,3426.467285 2974.614502,3438.434814
	C2963.737305,3444.776611 2952.333008,3450.016846 2939.644287,3450.177246
	C2941.192383,3437.723877 2942.766113,3426.926025 2944.339844,3416.128418
z"/>
<path fill="#2D3C5E" opacity="1.000000" stroke="none"
	d="
M3131.925293,3250.358887
	C3128.677979,3253.370850 3124.646484,3254.300537 3121.672852,3256.598877
	C3090.431152,3280.744141 3059.970215,3305.970947 3026.667969,3327.294922
	C3005.028320,3341.151367 2982.742432,3354.001465 2960.653320,3367.145996
	C2959.099365,3368.070312 2956.774658,3367.698486 2952.898438,3367.077637
	C2950.257568,3365.147217 2949.276367,3364.395508 2948.253662,3362.376953
	C2953.239990,3350.309082 2951.520752,3339.073486 2953.691650,3327.944092
	C2956.350586,3327.342285 2957.756592,3327.162109 2958.842773,3326.475586
	C2984.581299,3310.204102 3010.429932,3294.098877 3035.886963,3277.397217
	C3041.808350,3273.512451 3047.772705,3268.529785 3049.654053,3260.039062
	C3072.774658,3254.497314 3094.303955,3249.052979 3115.833008,3243.608398
	C3121.299072,3244.782227 3128.310791,3241.351074 3131.925293,3250.358887
z"/>
<path fill="#293859" opacity="1.000000" stroke="none"
	d="
M3363.985352,2947.965576
	C3360.082520,2957.076904 3357.133789,2966.755859 3352.108643,2975.199219
	C3332.774658,3007.686768 3312.425781,3039.534180 3288.909180,3069.244629
	C3282.751221,3077.024414 3277.330078,3085.383057 3271.298828,3093.268066
	C3265.668457,3100.628906 3260.149658,3108.234619 3249.630371,3111.969727
	C3248.205811,3111.468506 3248.130127,3110.755615 3247.958984,3108.970703
	C3254.152832,3082.211914 3260.442139,3056.525391 3268.757812,3029.280273
	C3277.084717,3026.282471 3280.567383,3021.615967 3283.760742,3016.535400
	C3293.835693,3000.506592 3303.523193,2984.206543 3314.288330,2968.653564
	C3318.731689,2962.234131 3320.427002,2955.892822 3320.155273,2948.536621
	C3330.842773,2948.246826 3341.530273,2947.957275 3355.360352,2947.710449
	C3360.330566,2947.824463 3362.157715,2947.895020 3363.985352,2947.965576
z"/>
<path fill="#081636" opacity="1.000000" stroke="none"
	d="
M3116.036865,3242.294434
	C3094.303955,3249.052979 3072.774658,3254.497314 3048.017578,3260.018555
	C3034.632324,3262.251953 3024.566895,3265.252930 3014.296387,3266.367920
	C2998.819336,3268.048584 2983.804932,3273.728760 2967.963867,3270.409180
	C2969.242188,3265.438232 2970.412354,3261.883057 2971.743652,3258.389893
	C2973.076416,3254.894043 2974.570312,3251.459473 2976.855957,3247.601074
	C2978.800781,3246.459961 2979.563232,3245.469727 2980.946777,3243.702637
	C2982.552246,3242.896240 2983.217285,3242.620361 2985.140381,3242.675049
	C2989.676025,3242.065674 2992.953613,3241.125488 2996.231201,3240.185059
	C3000.469482,3239.853760 3004.707520,3239.522461 3011.572021,3239.004395
	C3016.280029,3237.976318 3018.362061,3237.134766 3020.444092,3236.293457
	C3038.404785,3232.718506 3056.366211,3229.147705 3074.325195,3225.564453
	C3077.539307,3224.923340 3080.742432,3224.229248 3086.773926,3223.758301
	C3091.780518,3222.842773 3093.964111,3221.728760 3096.147949,3220.614746
	C3104.679688,3218.574951 3113.211670,3216.535156 3123.198730,3214.465820
	C3126.961914,3217.702148 3128.090332,3220.936035 3125.655518,3224.814453
	C3122.341553,3230.092773 3119.363037,3235.581787 3116.036865,3242.294434
z"/>
<path fill="#0A2A6A" opacity="1.000000" stroke="none"
	d="
M3195.046387,3230.916992
	C3195.620361,3233.875000 3195.872314,3236.352539 3194.756348,3237.680908
	C3184.093994,3250.372314 3173.521484,3263.222168 3157.063721,3271.509277
	C3150.030762,3265.214844 3150.408447,3256.396484 3148.466553,3248.405029
	C3147.320312,3243.687744 3149.801514,3239.294678 3154.543701,3237.330566
	C3159.320557,3235.352051 3164.267578,3233.412598 3169.325928,3232.567383
	C3177.500488,3231.200928 3185.827393,3230.744141 3195.046387,3230.916992
z"/>
<path fill="#0B2D73" opacity="1.000000" stroke="none"
	d="
M3159.944824,3390.161133
	C3156.944092,3391.964355 3153.968018,3391.980225 3149.374268,3390.294434
	C3147.459229,3381.806641 3147.162109,3375.020264 3147.174072,3366.725342
	C3147.665771,3362.141113 3147.848389,3359.065674 3148.031006,3355.990234
	C3151.022217,3355.993408 3154.013184,3355.996582 3158.499756,3356.000000
	C3159.986572,3366.791260 3159.978027,3377.582520 3159.944824,3390.161133
z"/>
<path fill="#5F79AB" opacity="1.000000" stroke="none"
	d="
M3408.087891,3140.426270
	C3405.087158,3141.482178 3402.125000,3143.289795 3399.077637,3143.447021
	C3391.222656,3143.852295 3383.329834,3143.527832 3373.140137,3142.203369
	C3368.234863,3137.047852 3369.095703,3133.848145 3371.840820,3130.169189
	C3382.508545,3115.872559 3393.181152,3101.557129 3403.207031,3086.810303
	C3412.874756,3072.590088 3421.473877,3057.647217 3431.024170,3043.343262
	C3450.948975,3013.500732 3466.959961,2981.512939 3483.294922,2949.681152
	C3486.730713,2942.985352 3488.648682,2936.164307 3489.476074,2928.284912
	C3495.177979,2926.518799 3499.553223,2925.137939 3505.470703,2923.830566
	C3514.035889,2922.711670 3521.058594,2921.519043 3528.060547,2921.880127
	C3528.821045,2931.136963 3525.347656,2937.588623 3521.958984,2944.060303
	C3507.266602,2972.118896 3492.790771,3000.294434 3477.758057,3028.169678
	C3472.130127,3038.604980 3464.554688,3047.997070 3459.013184,3058.471191
	C3450.013184,3075.482178 3439.133057,3091.108887 3427.951416,3106.713135
	C3420.411621,3117.234863 3410.659668,3126.836182 3408.087891,3140.426270
z"/>
<path fill="#526997" opacity="1.000000" stroke="none"
	d="
M3488.148926,2928.669922
	C3488.648682,2936.164307 3486.730713,2942.985352 3483.294922,2949.681152
	C3466.959961,2981.512939 3450.948975,3013.500732 3431.024170,3043.343262
	C3421.473877,3057.647217 3412.874756,3072.590088 3403.207031,3086.810303
	C3393.181152,3101.557129 3382.508545,3115.872559 3371.840820,3130.169189
	C3369.095703,3133.848145 3368.234863,3137.047852 3371.403809,3142.011963
	C3365.551758,3142.884521 3359.107422,3142.870850 3352.701660,3142.365967
	C3346.915527,3141.909668 3341.171875,3140.916016 3333.731934,3140.042480
	C3331.445801,3133.604736 3334.143311,3128.887939 3337.909912,3123.793213
	C3354.737061,3101.031250 3371.690430,3078.298584 3387.148926,3054.609375
	C3399.372314,3035.877930 3412.005127,3017.317627 3421.702637,2996.943604
	C3431.047119,2977.312012 3441.659180,2958.284180 3453.385254,2937.272461
	C3466.086914,2933.259521 3477.117920,2930.964600 3488.148926,2928.669922
z"/>
<path fill="#6D8AC1" opacity="1.000000" stroke="none"
	d="
M3409.662598,3140.483154
	C3410.659668,3126.836182 3420.411621,3117.234863 3427.951416,3106.713135
	C3439.133057,3091.108887 3450.013184,3075.482178 3459.013184,3058.471191
	C3464.554688,3047.997070 3472.130127,3038.604980 3477.758057,3028.169678
	C3492.790771,3000.294434 3507.266602,2972.118896 3521.958984,2944.060303
	C3525.347656,2937.588623 3528.821045,2931.136963 3529.533203,2921.464844
	C3541.989502,2916.918945 3552.952637,2914.341553 3563.797607,2913.246582
	C3553.866943,2937.873535 3544.030762,2960.966309 3533.298096,2983.749756
	C3523.648193,3004.234863 3512.165771,3023.612305 3501.479736,3043.392334
	C3488.593262,3067.245605 3472.718506,3089.485352 3458.110840,3112.406738
	C3454.098877,3118.702393 3451.552979,3125.440674 3451.499023,3132.993652
	C3443.857178,3137.442627 3435.608154,3139.740234 3425.307617,3140.308105
	C3419.639160,3140.612549 3415.438232,3140.576172 3409.662598,3140.483154
z"/>
<path fill="#536A99" opacity="1.000000" stroke="none"
	d="
M3147.881348,3354.467773
	C3147.848389,3359.065674 3147.665771,3362.141113 3145.806641,3366.691895
	C3140.536133,3369.620605 3136.585205,3370.529297 3133.404785,3372.613770
	C3109.579590,3388.230225 3085.942871,3404.134033 3062.164062,3419.821777
	C3054.975830,3424.564209 3047.577148,3428.995850 3040.187500,3433.424072
	C3010.564941,3451.175537 2980.878906,3468.836670 2949.422119,3483.217285
	C2944.116943,3485.642578 2938.113281,3486.540527 2932.328613,3486.595947
	C2933.369141,3477.988525 2934.513672,3470.929688 2935.847168,3462.567383
	C2937.247559,3458.120605 2938.458984,3454.977051 2939.670166,3451.833252
	C2952.333008,3450.016846 2963.737305,3444.776611 2974.614502,3438.434814
	C2995.141357,3426.467285 3015.422852,3414.079834 3035.931152,3402.079834
	C3063.299072,3386.066650 3089.584961,3368.585449 3114.123535,3348.382812
	C3122.133789,3341.787598 3132.106934,3337.576416 3142.603027,3332.132324
	C3145.259521,3338.975098 3146.495605,3345.960205 3147.881348,3354.467773
z"/>
<path fill="#174BAC" opacity="1.000000" stroke="none"
	d="
M1191.764893,2184.274658
	C1189.130371,2181.379639 1185.780029,2178.871826 1183.972656,2175.529541
	C1166.491455,2143.200684 1153.709839,2108.980713 1145.252563,2073.291260
	C1138.296875,2043.938110 1137.233032,2013.619873 1140.708862,1984.050415
	C1147.001343,1930.519531 1165.438843,1881.392212 1199.168335,1838.030884
	C1220.047363,1811.189941 1246.026489,1791.383301 1273.781372,1773.045044
	C1301.787598,1754.540405 1332.845337,1742.831665 1364.454712,1732.361938
	C1372.651978,1729.646606 1380.890869,1727.056274 1390.605713,1725.749512
	C1391.810181,1732.935181 1394.864014,1735.717407 1400.241699,1736.992188
	C1400.047241,1737.790771 1399.852661,1739.423096 1398.308228,1739.511963
	C1387.184082,1742.365845 1377.604370,1745.130859 1366.552246,1748.148682
	C1322.323120,1760.770508 1283.752563,1781.372070 1249.651489,1809.692871
	C1207.152222,1844.988403 1177.245605,1888.872559 1163.219727,1942.920532
	C1153.201172,1981.526978 1152.578735,2020.402222 1159.398071,2059.484863
	C1165.827393,2096.332275 1176.938721,2131.610107 1196.051758,2165.357910
	C1197.342529,2169.761475 1198.525146,2172.904297 1198.431152,2176.232422
	C1192.945435,2177.382080 1192.268066,2180.768555 1191.764893,2184.274658
z"/>
<path fill="#103F9A" opacity="1.000000" stroke="none"
	d="
M1191.982422,2185.641602
	C1192.268066,2180.768555 1192.945435,2177.382080 1199.188599,2177.236572
	C1203.427734,2181.391846 1205.632690,2184.728760 1208.101318,2189.422119
	C1213.718262,2200.065918 1217.991333,2210.162598 1227.769531,2217.671143
	C1234.753174,2227.277832 1241.477539,2235.541992 1248.257568,2244.615234
	C1248.313354,2245.424316 1248.306396,2247.046387 1248.306396,2247.046387
	C1246.965942,2250.457275 1245.625488,2253.867920 1244.123413,2258.650635
	C1236.994751,2256.051514 1231.955933,2250.325439 1227.610107,2243.592529
	C1220.920044,2233.227295 1213.575806,2223.284180 1205.308838,2212.541992
	C1200.138916,2203.617188 1196.169434,2195.312988 1191.982422,2185.641602
z"/>
<path fill="#123E92" opacity="1.000000" stroke="none"
	d="
M1400.436157,1736.193481
	C1394.864014,1735.717407 1391.810181,1732.935181 1392.119385,1725.671387
	C1397.742065,1722.836670 1403.346436,1721.421265 1410.401611,1719.899170
	C1424.386841,1717.671021 1436.913696,1715.505249 1449.459473,1713.455200
	C1453.227905,1712.839478 1457.048950,1712.545898 1462.470215,1713.703125
	C1464.114014,1719.318848 1464.133667,1723.336304 1462.536377,1727.694580
	C1449.765991,1728.099487 1438.883179,1729.574463 1426.832764,1734.274292
	C1416.848022,1734.940552 1408.642090,1735.567017 1400.436157,1736.193481
z"/>
<path fill="#0B2D73" opacity="1.000000" stroke="none"
	d="
M1464.153198,1727.353638
	C1464.133667,1723.336304 1464.114014,1719.318848 1464.152588,1713.806152
	C1467.142700,1712.212524 1470.074951,1712.114258 1474.474854,1711.968628
	C1492.024292,1711.915771 1508.105835,1711.910400 1526.025146,1711.884766
	C1535.204956,1712.469971 1542.547119,1713.075317 1550.952393,1716.285156
	C1552.064697,1721.835815 1552.113770,1724.781982 1550.625244,1727.855103
	C1546.011230,1728.103149 1542.934692,1728.224243 1538.073242,1728.218994
	C1525.565552,1727.972412 1514.842896,1727.852051 1502.312256,1727.641602
	C1489.651489,1727.807007 1478.798706,1728.062622 1466.993774,1728.092896
	C1466.041504,1727.867676 1464.153198,1727.353638 1464.153198,1727.353638
z"/>
<path fill="#0A204E" opacity="1.000000" stroke="none"
	d="
M1552.162842,1727.728149
	C1552.113770,1724.781982 1552.064697,1721.835815 1552.005371,1717.414795
	C1556.260498,1715.964233 1560.525879,1715.988647 1568.087036,1716.045166
	C1587.662720,1718.481079 1603.961426,1720.765991 1620.214966,1723.336548
	C1628.890137,1724.708618 1634.252441,1721.061157 1636.083130,1712.654907
	C1638.345581,1702.265869 1640.589111,1692.041504 1640.117188,1681.269409
	C1639.681519,1671.328857 1639.845093,1661.330444 1640.367188,1651.390015
	C1640.744385,1644.207886 1644.540039,1640.959106 1651.880981,1640.167114
	C1653.855713,1639.954102 1655.870483,1640.135010 1657.853638,1639.973022
	C1674.959229,1638.577148 1692.080200,1637.324097 1709.151123,1635.582886
	C1712.969360,1635.193481 1716.802246,1633.427856 1720.288208,1631.634399
	C1726.573364,1628.401001 1728.500732,1623.948853 1727.409790,1616.773071
	C1724.936279,1600.502563 1722.436035,1584.236084 1719.946533,1567.968018
	C1718.823242,1562.373291 1717.699829,1556.778564 1716.458984,1549.771851
	C1720.430664,1548.265381 1724.519653,1548.170898 1730.293579,1549.672119
	C1733.346558,1559.505859 1734.714844,1567.743896 1736.019409,1577.638916
	C1737.534546,1590.128052 1738.685059,1601.050781 1740.945190,1611.739014
	C1741.651611,1615.079712 1745.351929,1617.787354 1747.725342,1621.976562
	C1747.850830,1624.764038 1747.932739,1626.359863 1747.867554,1629.354858
	C1744.389771,1635.267212 1741.463623,1640.166748 1737.620728,1644.190552
	C1733.306396,1648.707764 1731.531616,1653.669678 1730.630249,1660.399414
	C1709.822388,1663.989502 1690.460938,1666.874878 1670.122192,1669.906006
	C1669.530396,1677.757935 1669.042236,1684.915039 1668.442627,1692.062866
	C1666.734741,1712.425781 1664.018188,1732.599243 1655.362793,1751.953857
	C1650.145752,1753.122314 1645.930542,1753.481201 1642.941406,1755.583374
	C1638.370850,1758.797729 1633.681152,1760.246948 1628.318848,1758.692871
	C1628.671387,1756.000854 1629.054688,1754.752686 1629.304077,1753.478394
	C1631.038452,1744.617065 1629.963501,1742.321167 1622.926025,1740.298340
	C1617.942871,1738.865967 1612.908813,1737.610718 1606.280029,1736.165283
	C1595.108643,1734.723877 1585.554688,1733.393799 1574.503174,1731.812012
	C1566.058105,1730.282837 1559.110474,1729.005493 1552.162842,1727.728149
z"/>
<path fill="#0B2D73" opacity="1.000000" stroke="none"
	d="
M1718.489990,1567.993896
	C1722.436035,1584.236084 1724.936279,1600.502563 1727.409790,1616.773071
	C1728.500732,1623.948853 1726.573364,1628.401001 1720.288208,1631.634399
	C1716.802246,1633.427856 1712.969360,1635.193481 1709.151123,1635.582886
	C1692.080200,1637.324097 1674.959229,1638.577148 1657.853638,1639.973022
	C1655.870483,1640.135010 1653.855713,1639.954102 1651.880981,1640.167114
	C1644.540039,1640.959106 1640.744385,1644.207886 1640.367188,1651.390015
	C1639.845093,1661.330444 1639.681519,1671.328857 1640.117188,1681.269409
	C1640.589111,1692.041504 1638.345581,1702.265869 1636.083130,1712.654907
	C1634.252441,1721.061157 1628.890137,1724.708618 1620.214966,1723.336548
	C1603.961426,1720.765991 1587.662720,1718.481079 1569.686523,1716.031250
	C1567.952393,1710.921265 1570.946899,1707.515625 1574.039917,1703.898682
	C1603.811523,1669.085083 1636.574341,1637.142700 1669.166382,1605.061646
	C1681.399780,1593.020142 1694.691772,1582.033203 1707.813599,1570.934692
	C1710.084229,1569.014160 1713.920410,1568.944580 1718.489990,1567.993896
z"/>
<path fill="#1649A9" opacity="1.000000" stroke="none"
	d="
M1720.238281,3441.224121
	C1723.667725,3439.833496 1726.998413,3440.091797 1732.351562,3441.148438
	C1735.571655,3442.745361 1736.769287,3443.543945 1738.304932,3445.949219
	C1740.454956,3455.727295 1737.865112,3464.689453 1743.230957,3473.782227
	C1746.007935,3484.843750 1748.632690,3494.372803 1751.367920,3505.459961
	C1772.828857,3581.072266 1815.577759,3639.498779 1880.241211,3681.395752
	C1921.022949,3707.819092 1966.518433,3719.738770 2014.796265,3719.161133
	C2034.587402,3718.924072 2054.594238,3715.722656 2074.030518,3711.627441
	C2105.331787,3705.032715 2135.685303,3695.045654 2165.180664,3679.113770
	C2174.970459,3673.820068 2183.433105,3668.774170 2192.922852,3663.809570
	C2194.635742,3663.928711 2195.321533,3663.966797 2196.998047,3664.628418
	C2200.041260,3667.555176 2202.093750,3669.858887 2204.145996,3672.162598
	C2202.973633,3673.761230 2202.151123,3676.089111 2200.574463,3676.845703
	C2185.029297,3684.305664 2171.546143,3695.504395 2154.864746,3701.028564
	C2141.648682,3705.405029 2129.149170,3711.933594 2115.955322,3716.393311
	C2084.968994,3726.867432 2053.229004,3732.062256 2020.256470,3732.437256
	C1980.378662,3732.890381 1942.328003,3725.733154 1905.353760,3711.717529
	C1884.675049,3703.879395 1866.382080,3691.598389 1848.819336,3678.443115
	C1838.220703,3670.504150 1827.735229,3662.026123 1818.813354,3652.308105
	C1789.372437,3620.238770 1765.597290,3584.278564 1748.584717,3544.083008
	C1738.994507,3521.424805 1731.776611,3497.961914 1725.139038,3472.957031
	C1722.765747,3462.235107 1721.452637,3452.554199 1720.238281,3441.224121
z"/>
<path fill="#123E92" opacity="1.000000" stroke="none"
	d="
M2205.456055,3672.062012
	C2202.093750,3669.858887 2200.041260,3667.555176 2197.791504,3663.593750
	C2202.221924,3658.707764 2207.089600,3655.762695 2211.377930,3652.133301
	C2213.575684,3650.273193 2214.737793,3647.188965 2217.796387,3644.542236
	C2223.260254,3642.416992 2227.792969,3641.026855 2231.228027,3638.269531
	C2238.403076,3632.510498 2244.998535,3626.030029 2252.907227,3619.503906
	C2255.917725,3618.010498 2257.853271,3616.858887 2259.788574,3615.707275
	C2260.233887,3619.375244 2261.103027,3622.743896 2266.736328,3623.892090
	C2264.605469,3633.010742 2254.699463,3634.985107 2248.617676,3642.859131
	C2234.729980,3650.019775 2224.097412,3659.729980 2212.601074,3670.225098
	C2210.248779,3671.561768 2208.507080,3671.761719 2205.456055,3672.062012
z"/>
<path fill="#061232" opacity="1.000000" stroke="none"
	d="
M1771.840454,3244.249756
	C1772.471313,3236.465332 1765.612549,3232.958984 1762.307495,3227.415039
	C1759.935669,3223.436523 1762.375366,3221.400635 1768.240601,3219.789795
	C1770.463989,3219.329834 1772.123901,3220.250977 1773.068848,3221.321777
	C1777.739136,3222.709961 1781.464233,3223.027832 1786.545166,3223.255859
	C1790.554077,3223.726562 1793.207031,3224.286621 1796.686768,3225.817383
	C1799.953613,3226.984131 1802.393799,3227.180176 1805.659180,3227.357422
	C1806.484253,3227.338867 1807.994141,3228.005859 1809.017090,3229.061523
	C1814.856934,3230.641113 1819.673706,3231.165039 1826.071777,3231.712891
	C1837.014038,3233.219727 1846.374878,3234.702393 1856.833618,3236.894043
	C1861.310547,3238.007568 1864.689697,3238.411865 1869.537598,3239.199219
	C1877.901001,3240.163330 1884.795532,3240.744629 1892.627686,3241.994385
	C1894.323975,3242.546387 1895.082520,3242.429688 1897.019165,3242.752686
	C1902.266357,3243.781494 1906.335327,3244.370850 1910.835938,3246.522949
	C1912.715088,3255.086182 1916.957642,3259.990234 1923.019653,3263.405029
	C1944.982910,3275.777588 1966.764771,3288.494629 1989.014771,3300.330322
	C2016.575806,3314.990234 2045.157593,3327.426758 2074.002686,3339.465088
	C2112.655518,3355.596680 2152.637207,3367.334961 2192.569336,3379.398193
	C2203.325439,3382.647705 2214.358154,3385.014404 2225.324707,3387.519043
	C2230.786621,3388.766602 2232.389648,3387.342773 2237.480957,3379.651123
	C2243.101562,3383.031006 2247.555176,3386.119629 2252.805176,3390.428223
	C2260.968506,3397.261475 2268.250732,3402.990234 2275.725830,3408.455078
	C2283.205078,3413.922607 2290.796631,3419.246582 2298.486816,3424.413086
	C2306.175781,3429.579102 2313.993896,3434.558594 2321.854248,3439.461914
	C2329.713867,3444.365234 2337.399658,3449.686768 2345.708008,3453.692139
	C2353.924805,3457.653809 2359.242676,3465.663818 2368.026123,3468.551025
	C2366.711914,3470.713379 2365.832275,3474.204102 2364.005859,3474.802246
	C2357.147949,3477.047119 2349.980957,3478.348145 2340.000488,3479.849121
	C2324.236816,3471.973877 2311.448486,3464.174805 2298.537598,3456.584473
	C2295.237305,3454.644043 2291.549805,3453.362305 2287.408447,3450.597168
	C2262.032715,3431.836914 2237.288574,3414.257080 2212.809814,3396.865479
	C2193.016357,3407.925781 2188.029785,3412.178711 2170.639160,3431.710449
	C2167.715332,3432.005859 2166.043945,3432.166992 2162.997070,3431.674805
	C2159.168213,3430.025879 2156.751709,3428.925049 2154.255859,3428.050537
	C2124.208252,3417.523682 2094.345947,3406.409668 2064.014160,3396.774414
	C2047.401733,3391.497070 2031.963745,3383.960449 2016.422974,3376.511963
	C1993.702881,3365.622314 1971.053955,3354.546631 1948.786133,3342.772217
	C1940.910156,3338.607910 1933.366089,3335.178223 1924.255859,3334.614746
	C1924.046387,3331.559082 1923.944580,3329.811768 1923.915527,3326.235352
	C1923.976562,3307.360840 1925.373291,3290.124268 1917.288208,3273.867188
	C1895.891968,3270.559814 1874.557495,3267.259521 1853.222168,3263.964111
	C1844.804932,3262.664062 1836.386108,3261.374268 1826.448608,3259.853516
	C1814.674194,3256.985596 1804.194580,3254.984619 1794.238403,3251.491943
	C1786.818481,3248.888916 1778.217041,3249.923340 1771.840454,3244.249756
z"/>
<path fill="#D6E2F8" opacity="1.000000" stroke="none"
	d="
M2369.364746,3468.762695
	C2359.242676,3465.663818 2353.924805,3457.653809 2345.708008,3453.692139
	C2337.399658,3449.686768 2329.713867,3444.365234 2321.854248,3439.461914
	C2313.993896,3434.558594 2306.175781,3429.579102 2298.486816,3424.413086
	C2290.796631,3419.246582 2283.205078,3413.922607 2275.725830,3408.455078
	C2268.250732,3402.990234 2260.968506,3397.261475 2254.782715,3390.159180
	C2266.118896,3386.306885 2275.530029,3390.651611 2285.294189,3391.860352
	C2300.332031,3393.721436 2315.474121,3395.217773 2330.431885,3397.139404
	C2342.943115,3398.746338 2355.313232,3399.751709 2367.845215,3400.032471
	C2373.142090,3400.151123 2378.875000,3399.220703 2383.639404,3400.923096
	C2394.027588,3404.634766 2404.549805,3403.926514 2415.106201,3403.974121
	C2435.009766,3404.063965 2454.913574,3404.011963 2474.817383,3403.990479
	C2479.460449,3403.985596 2484.542969,3405.085938 2488.671631,3403.595459
	C2508.428711,3396.463379 2529.851562,3403.803711 2549.429688,3396.112793
	C2568.080322,3396.676270 2586.081787,3392.557129 2604.155273,3388.750732
	C2609.942383,3387.531982 2616.147217,3386.568359 2619.618896,3393.864746
	C2617.034912,3395.654297 2614.286621,3395.728027 2613.498291,3397.008545
	C2608.433350,3405.235107 2600.195312,3409.704834 2592.600342,3414.669678
	C2564.511719,3433.031250 2536.092285,3450.886475 2507.892822,3469.079590
	C2500.767090,3473.677246 2493.995850,3478.824463 2487.062012,3483.719238
	C2475.371338,3492.097168 2463.622803,3500.396484 2452.020264,3508.895020
	C2447.863770,3511.939697 2444.059814,3515.465820 2439.431885,3519.324707
	C2427.641113,3509.922119 2416.684570,3500.606201 2405.114990,3492.125732
	C2393.974121,3483.958984 2382.199707,3476.656494 2369.364746,3468.762695
z"/>
<path fill="#394B70" opacity="1.000000" stroke="none"
	d="
M2348.303467,3508.202637
	C2342.486816,3517.073242 2336.670410,3525.943848 2327.979248,3535.389648
	C2317.996582,3534.646240 2310.932861,3532.972168 2303.771484,3532.083984
	C2289.406006,3530.302246 2274.791260,3529.962158 2260.631104,3527.213867
	C2229.615967,3521.194092 2198.729980,3514.428223 2167.970703,3507.203369
	C2150.660645,3503.137207 2133.736572,3497.445312 2116.575684,3492.714111
	C2111.602539,3491.342773 2108.046143,3489.218018 2108.563965,3482.390625
	C2112.655273,3478.237061 2116.223877,3475.283447 2119.660889,3472.183350
	C2122.562256,3469.566650 2125.310303,3466.780273 2129.149170,3463.635254
	C2132.099121,3462.119141 2134.026123,3461.036377 2137.297363,3460.550049
	C2147.885498,3464.680176 2156.895020,3469.152344 2166.427002,3471.533936
	C2181.747314,3475.361328 2197.432129,3477.712402 2212.928955,3480.855469
	C2253.563721,3489.097656 2293.837158,3499.628906 2335.691895,3500.052979
	C2341.638916,3500.113037 2345.653076,3503.082275 2348.303467,3508.202637
z"/>
<path fill="#394B70" opacity="1.000000" stroke="none"
	d="
M2551.627686,3540.492432
	C2549.850586,3539.804443 2547.259033,3539.641846 2546.424072,3538.346436
	C2538.854492,3526.605713 2531.591797,3514.667236 2525.786621,3501.382324
	C2533.775635,3498.737305 2540.179932,3496.706787 2546.665527,3496.401611
	C2567.093994,3495.442139 2587.035400,3491.309570 2607.192139,3488.489502
	C2639.168945,3484.015625 2670.544922,3477.096436 2701.795898,3469.305420
	C2714.543945,3466.127441 2727.316650,3463.049316 2741.245117,3460.443359
	C2745.527832,3462.287842 2748.643311,3463.614502 2752.027100,3466.153320
	C2757.639893,3472.823486 2762.984619,3478.281738 2766.987793,3484.359863
	C2759.571533,3487.551270 2753.695557,3490.861572 2747.385986,3492.564941
	C2722.563721,3499.266357 2697.807861,3506.449463 2672.648438,3511.606934
	C2637.872559,3518.735840 2602.961426,3525.463135 2567.447510,3528.257324
	C2559.958008,3528.846436 2553.015869,3531.405273 2551.627686,3540.492432
z"/>
<path fill="#475C86" opacity="1.000000" stroke="none"
	d="
M2107.984131,3483.527100
	C2108.046143,3489.218018 2111.602539,3491.342773 2116.575684,3492.714111
	C2133.736572,3497.445312 2150.660645,3503.137207 2167.970703,3507.203369
	C2198.729980,3514.428223 2229.615967,3521.194092 2260.631104,3527.213867
	C2274.791260,3529.962158 2289.406006,3530.302246 2303.771484,3532.083984
	C2310.932861,3532.972168 2317.996582,3534.646240 2326.830566,3536.031738
	C2325.791260,3540.459961 2323.026123,3544.821533 2320.030762,3550.484375
	C2313.969727,3558.133301 2308.138916,3564.480469 2300.440430,3570.100586
	C2293.077148,3562.351807 2284.459961,3562.198975 2276.964600,3560.442627
	C2266.717529,3558.041748 2255.984131,3557.805420 2245.598145,3555.888672
	C2222.838135,3551.687744 2200.020752,3547.631104 2177.498535,3542.354980
	C2155.592041,3537.222900 2134.026855,3530.634766 2112.307129,3524.702881
	C2104.633301,3522.606689 2096.811035,3520.951172 2089.309326,3518.361816
	C2083.704102,3516.426758 2078.021973,3513.894287 2076.361328,3506.410156
	C2077.945312,3503.679932 2079.095947,3501.906006 2081.484863,3499.605957
	C2087.100342,3496.077393 2091.378906,3492.915039 2095.886230,3490.121338
	C2099.784180,3487.706055 2103.941406,3485.708984 2107.984131,3483.527100
z"/>
<path fill="#465A84" opacity="1.000000" stroke="none"
	d="
M2552.169678,3541.577637
	C2553.015869,3531.405273 2559.958008,3528.846436 2567.447510,3528.257324
	C2602.961426,3525.463135 2637.872559,3518.735840 2672.648438,3511.606934
	C2697.807861,3506.449463 2722.563721,3499.266357 2747.385986,3492.564941
	C2753.695557,3490.861572 2759.571533,3487.551270 2768.151367,3485.013184
	C2779.268799,3491.007812 2789.611816,3494.591064 2795.437500,3504.856934
	C2793.947510,3507.165771 2793.257324,3508.681152 2792.170410,3509.060547
	C2774.113770,3515.362305 2756.270264,3522.496094 2737.844238,3527.458984
	C2716.282227,3533.266846 2694.059326,3536.580811 2672.385010,3542.020996
	C2644.861816,3548.929199 2617.306396,3555.108154 2588.814697,3556.094971
	C2581.916504,3556.333496 2575.930176,3558.843018 2571.574951,3564.497559
	C2567.215088,3560.590088 2562.854980,3556.682861 2557.404785,3552.150391
	C2555.113525,3548.571045 2553.912598,3545.617188 2552.169678,3541.577637
z"/>
<path fill="#2D3C5E" opacity="1.000000" stroke="none"
	d="
M2349.471191,3507.512695
	C2345.653076,3503.082275 2341.638916,3500.113037 2335.691895,3500.052979
	C2293.837158,3499.628906 2253.563721,3489.097656 2212.928955,3480.855469
	C2197.432129,3477.712402 2181.747314,3475.361328 2166.427002,3471.533936
	C2156.895020,3469.152344 2147.885498,3464.680176 2137.923096,3459.375977
	C2146.522217,3449.460693 2157.745361,3443.364258 2164.372559,3432.328125
	C2166.043945,3432.166992 2167.715332,3432.005859 2171.484863,3432.947754
	C2178.430420,3436.051025 2183.109375,3438.832031 2188.154053,3439.922363
	C2217.846924,3446.340820 2247.627930,3452.352783 2277.372559,3458.533203
	C2283.173340,3459.738281 2285.884033,3456.238281 2288.040283,3451.777832
	C2291.549805,3453.362305 2295.237305,3454.644043 2298.537598,3456.584473
	C2311.448486,3464.174805 2324.236816,3471.973877 2338.451660,3479.917725
	C2343.211914,3483.097656 2346.504883,3486.161621 2349.989258,3488.989502
	C2357.060547,3494.728516 2357.176758,3496.638672 2349.471191,3507.512695
z"/>
<path fill="#2D3C5E" opacity="1.000000" stroke="none"
	d="
M2740.078125,3459.925781
	C2727.316650,3463.049316 2714.543945,3466.127441 2701.795898,3469.305420
	C2670.544922,3477.096436 2639.168945,3484.015625 2607.192139,3488.489502
	C2587.035400,3491.309570 2567.093994,3495.442139 2546.665527,3496.401611
	C2540.179932,3496.706787 2533.775635,3498.737305 2525.625000,3499.964844
	C2523.983643,3497.018555 2524.051270,3494.085938 2525.604736,3489.445801
	C2546.564941,3476.035645 2566.008545,3464.281250 2585.543213,3452.680176
	C2588.816895,3450.735840 2592.484863,3449.455078 2597.048828,3449.056152
	C2603.962891,3450.788086 2609.937012,3452.393799 2615.605469,3451.654297
	C2627.260498,3450.133301 2638.794189,3447.554688 2650.300537,3445.054932
	C2669.521484,3440.879395 2688.681885,3436.424316 2709.063965,3432.674561
	C2717.754639,3439.228027 2725.384521,3445.034180 2732.674561,3451.240234
	C2735.534424,3453.674805 2737.633057,3457.003906 2740.078125,3459.925781
z"/>
<path fill="#09183A" opacity="1.000000" stroke="none"
	d="
M2595.970703,3447.868164
	C2592.484863,3449.455078 2588.816895,3450.735840 2585.543213,3452.680176
	C2566.008545,3464.281250 2546.564941,3476.035645 2525.712402,3487.981445
	C2512.797119,3488.710205 2501.532471,3487.066406 2488.762939,3483.804199
	C2493.995850,3478.824463 2500.767090,3473.677246 2507.892822,3469.079590
	C2536.092285,3450.886475 2564.511719,3433.031250 2592.600342,3414.669678
	C2600.195312,3409.704834 2608.433350,3405.235107 2613.498291,3397.008545
	C2614.286621,3395.728027 2617.034912,3395.654297 2620.695068,3393.741211
	C2623.229004,3392.363525 2623.944336,3392.267090 2625.662109,3392.991943
	C2629.012939,3397.128418 2631.182617,3400.198486 2636.259033,3398.015625
	C2641.880615,3395.598145 2647.762451,3394.077148 2651.946289,3401.900635
	C2649.839355,3405.762207 2648.387451,3408.948730 2645.920166,3410.724121
	C2632.162842,3420.623779 2618.095215,3430.092041 2604.288574,3439.925049
	C2601.198242,3442.126465 2598.727051,3445.197510 2595.970703,3447.868164
z"/>
<path fill="#536A99" opacity="1.000000" stroke="none"
	d="
M2075.928467,3507.366699
	C2078.021973,3513.894287 2083.704102,3516.426758 2089.309326,3518.361816
	C2096.811035,3520.951172 2104.633301,3522.606689 2112.307129,3524.702881
	C2134.026855,3530.634766 2155.592041,3537.222900 2177.498535,3542.354980
	C2200.020752,3547.631104 2222.838135,3551.687744 2245.598145,3555.888672
	C2255.984131,3557.805420 2266.717529,3558.041748 2276.964600,3560.442627
	C2284.459961,3562.198975 2293.077148,3562.351807 2299.263184,3570.671875
	C2293.558838,3580.414307 2288.129150,3589.924805 2273.758057,3592.157227
	C2268.887207,3590.612549 2267.107910,3589.289062 2265.225098,3589.120117
	C2232.952881,3586.223389 2201.641113,3577.896973 2170.114014,3571.262207
	C2140.456299,3565.020508 2111.455322,3555.521484 2082.356201,3546.817383
	C2067.819580,3542.469238 2053.708984,3536.697021 2040.159058,3530.445557
	C2052.584473,3522.003418 2064.256592,3514.685059 2075.928467,3507.366699
z"/>
<path fill="#5F79AB" opacity="1.000000" stroke="none"
	d="
M2039.405518,3531.569092
	C2053.708984,3536.697021 2067.819580,3542.469238 2082.356201,3546.817383
	C2111.455322,3555.521484 2140.456299,3565.020508 2170.114014,3571.262207
	C2201.641113,3577.896973 2232.952881,3586.223389 2265.225098,3589.120117
	C2267.107910,3589.289062 2268.887207,3590.612549 2272.416260,3591.949707
	C2273.903076,3602.024170 2266.905518,3607.301025 2260.437744,3614.511719
	C2257.853271,3616.858887 2255.917725,3618.010498 2251.999756,3618.341064
	C2245.785400,3615.743164 2241.697266,3613.350586 2237.290527,3612.325928
	C2229.623291,3610.542480 2221.732910,3609.746094 2213.983154,3608.285889
	C2173.789551,3600.711914 2133.754639,3592.472412 2094.944580,3579.219971
	C2080.593262,3574.319580 2066.230713,3569.453125 2051.864014,3564.598633
	C2041.890137,3561.228760 2031.766724,3558.240479 2022.007080,3554.338379
	C2019.402466,3553.296875 2017.889526,3549.524414 2016.529907,3545.957520
	C2020.847168,3540.611572 2028.045532,3539.528076 2029.937500,3532.354736
	C2034.002563,3532.075439 2036.704102,3531.822266 2039.405518,3531.569092
z"/>
<path fill="#5C75A6" opacity="1.000000" stroke="none"
	d="
M2624.377197,3619.101562
	C2621.080322,3616.929688 2617.783447,3614.757568 2613.403809,3612.049316
	C2607.241455,3605.809326 2602.161621,3600.105225 2596.827637,3591.750488
	C2598.492920,3587.520996 2600.212646,3584.949707 2602.363281,3584.515869
	C2623.643799,3580.225586 2644.942383,3575.975342 2666.338867,3572.317871
	C2713.278564,3564.293945 2759.000488,3551.691650 2804.052734,3536.479980
	C2812.158936,3533.742920 2820.183350,3530.762695 2829.483887,3528.478027
	C2839.974365,3532.516846 2849.181641,3536.050049 2855.422363,3544.977051
	C2845.378174,3556.722168 2831.647461,3559.668945 2819.416748,3562.898193
	C2797.069336,3568.797607 2775.887695,3577.955078 2753.408447,3583.526611
	C2717.549805,3592.414307 2681.739014,3601.308594 2645.413818,3608.088135
	C2639.606934,3609.172119 2633.801758,3610.718262 2628.329346,3612.890381
	C2626.481445,3613.624023 2625.665039,3616.956543 2624.377197,3619.101562
z"/>
<path fill="#4F6694" opacity="1.000000" stroke="none"
	d="
M2828.245605,3527.895020
	C2820.183350,3530.762695 2812.158936,3533.742920 2804.052734,3536.479980
	C2759.000488,3551.691650 2713.278564,3564.293945 2666.338867,3572.317871
	C2644.942383,3575.975342 2623.643799,3580.225586 2602.363281,3584.515869
	C2600.212646,3584.949707 2598.492920,3587.520996 2596.241699,3590.611816
	C2586.075928,3585.641357 2578.752686,3576.867432 2572.199951,3565.659180
	C2575.930176,3558.843018 2581.916504,3556.333496 2588.814697,3556.094971
	C2617.306396,3555.108154 2644.861816,3548.929199 2672.385010,3542.020996
	C2694.059326,3536.580811 2716.282227,3533.266846 2737.844238,3527.458984
	C2756.270264,3522.496094 2774.113770,3515.362305 2792.170410,3509.060547
	C2793.257324,3508.681152 2793.947510,3507.165771 2796.797363,3505.170166
	C2808.260986,3509.676758 2817.749756,3515.192139 2827.389648,3521.908203
	C2827.775391,3524.704346 2828.010498,3526.299561 2828.245605,3527.895020
z"/>
<path fill="#8CB0F2" opacity="1.000000" stroke="none"
	d="
M1751.654785,1364.046021
	C1754.421387,1355.234497 1756.610718,1346.190430 1760.052246,1337.651001
	C1777.359131,1294.708496 1800.746094,1255.619507 1834.490234,1223.383423
	C1872.454224,1187.115967 1916.956543,1163.830811 1969.050415,1155.091797
	C2011.058472,1148.044800 2052.334473,1150.954956 2093.163086,1162.193726
	C2119.449951,1169.429443 2145.114258,1178.359253 2167.958984,1194.381592
	C2164.260986,1197.297241 2161.271973,1198.862305 2158.090332,1199.610352
	C2142.694092,1203.230225 2126.908203,1205.562256 2111.882080,1210.316162
	C2072.783447,1222.686035 2032.666016,1231.879028 1994.689575,1247.787842
	C1967.823242,1259.042603 1940.226685,1268.729736 1913.996948,1281.290527
	C1864.961792,1304.771851 1816.075684,1328.704956 1770.430420,1358.570557
	C1764.790283,1362.261108 1758.623535,1364.659790 1751.654785,1364.046021
z"/>
<path fill="#7998D3" opacity="1.000000" stroke="none"
	d="
M1736.703369,1423.876587
	C1737.830566,1415.694214 1738.957764,1407.511963 1740.086060,1397.766846
	C1740.087036,1396.204224 1741.604614,1395.893799 1743.881348,1395.799561
	C1751.467163,1393.114868 1757.142700,1391.078125 1762.027832,1387.846558
	C1800.746582,1362.232788 1841.417236,1339.968628 1882.715454,1318.983154
	C1915.094727,1302.529663 1948.512573,1288.135376 1982.367554,1274.824097
	C2024.906006,1258.098633 2068.242432,1243.844238 2112.372803,1232.031982
	C2134.036621,1226.233032 2155.858887,1221.005127 2177.696777,1215.892090
	C2184.719482,1214.247925 2187.622559,1209.997314 2188.349609,1203.431152
	C2200.654785,1208.134399 2210.686035,1216.213501 2219.550049,1226.682373
	C2210.598389,1230.838867 2202.454834,1233.569458 2194.142578,1235.612183
	C2162.120850,1243.481567 2129.818604,1250.313599 2098.060059,1259.117065
	C2071.968750,1266.349487 2046.462402,1275.716553 2020.775757,1284.372314
	C2012.635010,1287.115723 2004.731323,1290.571777 1996.752441,1293.784302
	C1991.483032,1295.905884 1987.594727,1299.191528 1986.309326,1305.031982
	C1969.642456,1298.185669 1969.642456,1298.185669 1960.220581,1308.689209
	C1941.121094,1316.048096 1923.294189,1322.970093 1906.070435,1331.160156
	C1854.724243,1355.575562 1805.864258,1384.422119 1758.456787,1415.739746
	C1751.726074,1420.186035 1745.225342,1424.543701 1736.703369,1423.876587
z"/>
<path fill="#83A4E3" opacity="1.000000" stroke="none"
	d="
M2188.191895,1202.735107
	C2187.622559,1209.997314 2184.719482,1214.247925 2177.696777,1215.892090
	C2155.858887,1221.005127 2134.036621,1226.233032 2112.372803,1232.031982
	C2068.242432,1243.844238 2024.906006,1258.098633 1982.367554,1274.824097
	C1948.512573,1288.135376 1915.094727,1302.529663 1882.715454,1318.983154
	C1841.417236,1339.968628 1800.746582,1362.232788 1762.027832,1387.846558
	C1757.142700,1391.078125 1751.467163,1393.114868 1744.653442,1395.737793
	C1745.470947,1386.026978 1747.792969,1376.283325 1750.884766,1365.292969
	C1758.623535,1364.659790 1764.790283,1362.261108 1770.430420,1358.570557
	C1816.075684,1328.704956 1864.961792,1304.771851 1913.996948,1281.290527
	C1940.226685,1268.729736 1967.823242,1259.042603 1994.689575,1247.787842
	C2032.666016,1231.879028 2072.783447,1222.686035 2111.882080,1210.316162
	C2126.908203,1205.562256 2142.694092,1203.230225 2158.090332,1199.610352
	C2161.271973,1198.862305 2164.260986,1197.297241 2169.029297,1195.373535
	C2175.508057,1196.479370 2180.296143,1198.320435 2186.401367,1200.404297
	C2187.718750,1200.646973 2188.034424,1202.039062 2188.191895,1202.735107
z"/>
<path fill="#6D8AC1" opacity="1.000000" stroke="none"
	d="
M1987.712158,1305.512939
	C1987.594727,1299.191528 1991.483032,1295.905884 1996.752441,1293.784302
	C2004.731323,1290.571777 2012.635010,1287.115723 2020.775757,1284.372314
	C2046.462402,1275.716553 2071.968750,1266.349487 2098.060059,1259.117065
	C2129.818604,1250.313599 2162.120850,1243.481567 2194.142578,1235.612183
	C2202.454834,1233.569458 2210.598389,1230.838867 2220.444336,1227.748413
	C2228.508545,1231.169922 2234.947510,1235.267334 2242.573242,1239.957397
	C2244.956543,1242.292969 2246.153076,1244.035889 2247.059082,1248.079346
	C2243.400146,1252.217773 2240.228027,1254.992188 2236.632324,1255.744263
	C2209.516113,1261.416626 2182.150391,1265.979370 2155.191895,1272.296021
	C2129.460205,1278.325562 2104.030273,1285.725098 2078.651855,1293.151245
	C2062.222412,1297.958618 2046.065308,1303.729736 2029.905884,1309.409546
	C2023.638306,1311.612671 2017.403809,1314.422852 2014.352173,1321.489380
	C2004.569580,1315.801758 1996.140869,1310.657349 1987.712158,1305.512939
z"/>
<path fill="#6E8BC2" opacity="1.000000" stroke="none"
	d="
M1736.343994,1425.470215
	C1745.225342,1424.543701 1751.726074,1420.186035 1758.456787,1415.739746
	C1805.864258,1384.422119 1854.724243,1355.575562 1906.070435,1331.160156
	C1923.294189,1322.970093 1941.121094,1316.048096 1959.943481,1310.194580
	C1958.468628,1321.367065 1955.722534,1330.891479 1951.389160,1340.313477
	C1929.436890,1344.289551 1911.312622,1353.943237 1893.295532,1363.574219
	C1872.320679,1374.786377 1851.630981,1386.557251 1831.101074,1398.570190
	C1804.355713,1414.219971 1777.731689,1430.094971 1752.898682,1448.752808
	C1746.995117,1453.188354 1740.603271,1456.635742 1732.786621,1455.819336
	C1733.852661,1446.234131 1734.918701,1436.648926 1736.343994,1425.470215
z"/>
<path fill="#637EB2" opacity="1.000000" stroke="none"
	d="
M1732.453735,1457.213867
	C1740.603271,1456.635742 1746.995117,1453.188354 1752.898682,1448.752808
	C1777.731689,1430.094971 1804.355713,1414.219971 1831.101074,1398.570190
	C1851.630981,1386.557251 1872.320679,1374.786377 1893.295532,1363.574219
	C1911.312622,1353.943237 1929.436890,1344.289551 1951.279419,1341.824219
	C1951.136108,1350.280273 1949.515015,1357.123169 1946.387939,1363.997803
	C1938.733643,1366.294678 1932.358398,1368.085938 1926.474365,1370.903076
	C1892.506470,1387.166504 1859.051880,1404.442505 1827.167114,1424.534302
	C1804.273926,1438.960449 1780.940796,1452.685181 1759.546021,1469.495605
	C1751.488525,1475.826660 1743.210449,1483.361572 1731.814575,1484.054321
	C1731.666992,1478.532959 1731.519409,1473.011475 1731.149170,1465.849365
	C1731.324585,1462.341919 1731.722656,1460.475220 1732.453735,1457.213867
z"/>
<path fill="#0C2964" opacity="1.000000" stroke="none"
	d="
M2928.076416,1371.984497
	C2930.284912,1379.144287 2932.493652,1386.303955 2935.280273,1394.752441
	C2937.119141,1404.313477 2938.379639,1412.585938 2939.946045,1422.387451
	C2940.326904,1429.419556 2940.401855,1434.922485 2938.930176,1442.147095
	C2930.593750,1441.393799 2923.531982,1439.479248 2917.062988,1436.342041
	C2894.945312,1425.615601 2873.088135,1414.434204 2849.689941,1406.504639
	C2832.743164,1400.761597 2816.179932,1393.876587 2799.505371,1387.348267
	C2793.932373,1385.166260 2788.028809,1383.013550 2787.858398,1375.421875
	C2792.887939,1371.052368 2797.917725,1366.682861 2803.548584,1361.195068
	C2813.030762,1354.410645 2821.912109,1348.744385 2831.458008,1341.993408
	C2833.689453,1340.550415 2835.255615,1340.192017 2839.552490,1339.965332
	C2862.729004,1348.637451 2883.056396,1357.480591 2903.682129,1365.562744
	C2911.458252,1368.609985 2919.924561,1369.895752 2928.076416,1371.984497
z"/>
<path fill="#7998D3" opacity="1.000000" stroke="none"
	d="
M3133.963867,1395.611084
	C3135.894287,1404.044312 3137.824707,1412.477661 3138.169189,1422.437256
	C3126.723633,1426.007568 3120.156250,1419.114258 3113.503174,1414.303467
	C3086.114502,1394.498413 3056.861816,1377.775391 3027.217529,1361.830688
	C2998.138428,1346.189819 2968.166748,1332.215332 2938.729004,1317.230225
	C2931.423340,1313.511475 2924.076416,1311.261475 2915.215332,1310.825439
	C2908.216553,1299.150513 2908.221924,1299.166992 2897.433105,1302.745850
	C2895.667236,1303.331665 2893.828857,1303.699097 2892.023926,1304.167358
	C2889.963867,1298.620361 2885.216797,1296.041870 2880.188721,1294.269775
	C2851.464355,1284.146484 2822.839111,1273.695068 2793.847656,1264.391602
	C2771.887939,1257.344482 2749.359131,1252.091553 2727.220703,1245.573853
	C2711.974609,1241.085205 2696.690674,1237.313477 2680.802246,1235.765381
	C2672.348877,1234.941895 2663.714600,1233.307007 2656.658691,1225.244141
	C2662.373779,1219.777222 2668.795410,1215.607300 2678.186035,1211.976562
	C2688.846191,1214.370972 2696.559082,1216.141846 2704.225098,1218.095093
	C2742.753906,1227.912231 2781.125732,1238.088623 2818.949219,1250.614624
	C2845.425293,1259.382812 2871.385010,1269.452148 2897.773438,1278.296021
	C2915.552002,1284.254272 2932.339844,1292.131226 2949.169678,1299.959595
	C2978.126953,1313.429443 3007.175781,1326.880493 3035.166016,1342.202759
	C3063.673096,1357.807983 3091.028076,1375.534180 3118.692871,1392.646484
	C3123.682373,1395.732910 3128.621826,1395.943481 3133.963867,1395.611084
z"/>
<path fill="#0D327C" opacity="1.000000" stroke="none"
	d="
M2891.254883,1305.253662
	C2893.828857,1303.699097 2895.667236,1303.331665 2897.433105,1302.745850
	C2908.221924,1299.166992 2908.216553,1299.150513 2915.171387,1312.360107
	C2918.608398,1324.716187 2921.413086,1334.331299 2924.217773,1343.946411
	C2925.579834,1350.924927 2926.941895,1357.903320 2928.728516,1366.365723
	C2928.939941,1368.530029 2928.726562,1369.210449 2928.294922,1370.937744
	C2919.924561,1369.895752 2911.458252,1368.609985 2903.682129,1365.562744
	C2883.056396,1357.480591 2862.729004,1348.637451 2840.748047,1339.821533
	C2840.453369,1337.449951 2841.191162,1334.546265 2843.025635,1333.403931
	C2849.408447,1329.429199 2856.171387,1326.065186 2863.651123,1321.391113
	C2873.170166,1315.655640 2881.827881,1310.997803 2891.254883,1305.253662
z"/>
<path fill="#D6E2F8" opacity="1.000000" stroke="none"
	d="
M2554.432373,1428.704346
	C2569.266846,1439.270630 2584.103271,1449.834351 2598.935059,1460.404419
	C2605.241943,1464.899170 2611.539062,1469.407227 2616.989502,1475.166992
	C2608.664307,1479.816528 2601.112793,1481.112671 2592.979248,1478.517456
	C2588.631104,1477.130127 2583.951172,1476.772339 2579.414307,1475.988281
	C2566.399902,1473.739380 2553.019287,1473.372681 2540.203857,1471.194214
	C2523.647949,1468.379883 2507.303467,1468.377808 2490.797363,1467.927246
	C2486.203125,1467.802124 2481.405762,1467.598755 2477.097412,1466.206543
	C2469.842529,1463.862183 2462.928223,1463.410278 2455.711670,1466.054443
	C2447.976318,1468.888672 2440.161377,1468.529175 2432.293945,1466.153564
	C2421.224365,1462.811401 2410.125977,1463.005249 2399.011230,1466.278564
	C2395.871338,1467.203369 2392.530273,1467.802246 2389.264648,1467.884277
	C2370.772217,1468.349365 2352.425781,1468.342285 2333.912109,1471.439453
	C2314.509033,1474.685425 2294.671875,1475.673340 2275.229736,1479.384888
	C2269.346680,1480.508057 2263.164551,1481.117798 2260.026123,1473.533203
	C2263.173828,1470.193970 2265.374512,1467.613892 2268.096680,1465.829346
	C2293.508301,1449.171143 2319.010498,1432.651001 2344.483887,1416.087402
	C2350.566162,1412.132446 2356.655518,1408.188110 2362.713135,1404.195557
	C2368.545654,1400.351196 2374.341553,1396.451050 2380.153564,1392.575439
	C2397.000244,1384.604614 2410.763672,1372.318115 2424.935547,1360.599854
	C2428.903320,1357.319092 2432.922852,1354.100952 2437.424561,1350.442993
	C2449.926758,1360.364990 2461.712158,1369.718384 2475.596680,1380.457520
	C2502.208008,1399.210815 2527.591797,1415.150146 2554.432373,1428.704346
z"/>
<path fill="#475C86" opacity="1.000000" stroke="none"
	d="
M2300.407959,1299.577881
	C2302.288330,1300.758911 2304.168701,1301.939819 2307.088867,1303.521973
	C2313.131836,1311.056885 2318.135254,1318.190674 2323.377930,1328.013184
	C2319.163330,1338.873291 2311.423584,1339.300049 2303.312500,1340.139648
	C2286.983398,1341.830200 2270.647705,1343.843872 2254.489746,1346.709961
	C2231.807617,1350.733276 2209.165039,1355.138428 2186.727783,1360.338989
	C2164.895264,1365.399292 2143.300537,1371.515625 2121.697998,1377.515381
	C2116.512695,1378.955566 2111.857666,1381.900024 2110.607422,1388.174194
	C2099.233643,1381.550049 2089.166748,1375.360962 2079.271484,1368.909180
	C2077.771240,1367.931152 2077.067139,1365.732422 2076.199219,1362.666260
	C2078.679688,1359.005127 2080.570068,1355.690918 2083.294678,1354.722290
	C2101.297607,1348.321655 2119.267822,1341.660889 2137.659180,1336.566284
	C2158.566162,1330.774658 2179.846191,1326.271118 2201.068848,1321.694580
	C2217.786133,1318.089478 2234.637695,1315.082520 2251.477295,1312.076538
	C2263.122803,1309.997803 2274.945801,1308.821411 2286.493896,1306.334351
	C2291.389893,1305.280151 2295.785156,1301.900635 2300.407959,1299.577881
z"/>
<path fill="#394B70" opacity="1.000000" stroke="none"
	d="
M2111.970459,1388.523682
	C2111.857666,1381.900024 2116.512695,1378.955566 2121.697998,1377.515381
	C2143.300537,1371.515625 2164.895264,1365.399292 2186.727783,1360.338989
	C2209.165039,1355.138428 2231.807617,1350.733276 2254.489746,1346.709961
	C2270.647705,1343.843872 2286.983398,1341.830200 2303.312500,1340.139648
	C2311.423584,1339.300049 2319.163330,1338.873291 2323.976074,1329.183960
	C2335.302979,1340.374878 2347.821533,1352.043823 2350.348877,1370.611328
	C2332.591309,1371.945068 2316.881104,1373.668213 2301.033447,1375.351685
	C2278.622559,1377.732544 2256.451416,1381.552002 2234.462891,1385.627686
	C2205.903809,1390.921387 2178.000244,1399.720337 2149.752441,1406.761230
	C2145.309326,1407.868652 2140.538330,1407.659912 2134.740723,1407.480347
	C2126.642090,1400.450073 2116.613281,1397.650879 2111.970459,1388.523682
z"/>
<path fill="#081636" opacity="1.000000" stroke="none"
	d="
M2380.061035,1390.935547
	C2374.341553,1396.451050 2368.545654,1400.351196 2362.713135,1404.195557
	C2356.655518,1408.188110 2350.566162,1412.132446 2344.483887,1416.087402
	C2319.010498,1432.651001 2293.508301,1449.171143 2268.096680,1465.829346
	C2265.374512,1467.613892 2263.173828,1470.193970 2258.766846,1473.988037
	C2249.589111,1481.901489 2242.375732,1488.231812 2234.021240,1494.996094
	C2228.339600,1498.646118 2223.798828,1501.862305 2217.268066,1504.746582
	C2206.175537,1504.237549 2197.072998,1504.060181 2187.980957,1502.572266
	C2188.000732,1499.510986 2188.010254,1497.760376 2189.229736,1495.369385
	C2196.826904,1485.416382 2197.183594,1483.856323 2191.600830,1477.905273
	C2184.361328,1470.188110 2176.845459,1462.699585 2169.026855,1455.575928
	C2166.804688,1453.551514 2163.114746,1453.138672 2159.475586,1450.799561
	C2151.427734,1442.425293 2143.886475,1435.351929 2136.648926,1427.980713
	C2134.509766,1425.802124 2133.226807,1422.783081 2132.672119,1419.710693
	C2135.915039,1418.132935 2138.037842,1416.993530 2141.382324,1416.431396
	C2149.366211,1420.731323 2155.719238,1424.769043 2160.205078,1431.477173
	C2161.704834,1433.719727 2165.355713,1434.523682 2168.613281,1437.191895
	C2179.508057,1447.608276 2189.786133,1456.848389 2200.126221,1466.018555
	C2208.695801,1473.618286 2215.072021,1474.362305 2222.658203,1466.920410
	C2239.760986,1450.143311 2260.018311,1437.739746 2279.521973,1424.248535
	C2282.683105,1422.061890 2285.257812,1419.027222 2289.494873,1416.130859
	C2303.355469,1408.549927 2315.808838,1401.195679 2328.299316,1393.905273
	C2336.253418,1389.262817 2344.263184,1384.715088 2352.247803,1380.124878
	C2358.815186,1380.141113 2365.384277,1380.074829 2371.949707,1380.198120
	C2377.825439,1380.308472 2379.729736,1384.115479 2380.061035,1390.935547
z"/>
<path fill="#3D4F76" opacity="1.000000" stroke="none"
	d="
M2550.804443,1328.669922
	C2560.818604,1334.433594 2571.741943,1333.724243 2581.807617,1335.721680
	C2594.009033,1338.143066 2606.687256,1338.177124 2618.876465,1340.641968
	C2656.204834,1348.190796 2693.528809,1355.856323 2730.578125,1364.641357
	C2745.226318,1368.114624 2759.146240,1374.658447 2774.221191,1381.188599
	C2765.591309,1391.119385 2756.209961,1399.767456 2743.416504,1403.139404
	C2741.368408,1400.404053 2740.179688,1398.221924 2738.514404,1397.761108
	C2716.932373,1391.787598 2695.479980,1385.121704 2673.598145,1380.515259
	C2648.522949,1375.236572 2623.042480,1371.893311 2597.759521,1367.583252
	C2592.574707,1366.699341 2587.411621,1364.006592 2582.363770,1364.300049
	C2564.788330,1365.321777 2548.420410,1360.078613 2531.789551,1355.991211
	C2533.776611,1352.120117 2535.379150,1347.981567 2537.841553,1344.440918
	C2541.479736,1339.210571 2545.729248,1334.405273 2550.804443,1328.669922
z"/>
<path fill="#2D3C5E" opacity="1.000000" stroke="none"
	d="
M2168.023193,1435.985352
	C2165.355713,1434.523682 2161.704834,1433.719727 2160.205078,1431.477173
	C2155.719238,1424.769043 2149.366211,1420.731323 2140.919189,1415.421143
	C2138.129150,1411.908813 2137.023926,1409.984253 2135.918945,1408.059692
	C2140.538330,1407.659912 2145.309326,1407.868652 2149.752441,1406.761230
	C2178.000244,1399.720337 2205.903809,1390.921387 2234.462891,1385.627686
	C2256.451416,1381.552002 2278.622559,1377.732544 2301.033447,1375.351685
	C2316.881104,1373.668213 2332.591309,1371.945068 2350.365234,1372.099609
	C2352.210205,1373.927856 2352.201660,1375.696533 2352.220703,1378.794922
	C2344.263184,1384.715088 2336.253418,1389.262817 2328.299316,1393.905273
	C2315.808838,1401.195679 2303.355469,1408.549927 2288.467529,1414.902832
	C2280.189209,1413.482544 2273.999023,1411.582520 2268.524902,1412.828491
	C2235.005615,1420.458130 2200.772949,1425.040649 2168.023193,1435.985352
z"/>
<path fill="#334467" opacity="1.000000" stroke="none"
	d="
M2530.766846,1356.702393
	C2548.420410,1360.078613 2564.788330,1365.321777 2582.363770,1364.300049
	C2587.411621,1364.006592 2592.574707,1366.699341 2597.759521,1367.583252
	C2623.042480,1371.893311 2648.522949,1375.236572 2673.598145,1380.515259
	C2695.479980,1385.121704 2716.932373,1391.787598 2738.514404,1397.761108
	C2740.179688,1398.221924 2741.368408,1400.404053 2742.825928,1404.286133
	C2735.776123,1413.267334 2730.726074,1422.418579 2719.409668,1422.942139
	C2713.477295,1414.362549 2704.798584,1413.937012 2697.411865,1412.426636
	C2669.050049,1406.626831 2641.146484,1398.806152 2612.291992,1395.030884
	C2589.449707,1392.042236 2566.935547,1386.647583 2542.270996,1388.075195
	C2535.541016,1385.267700 2529.907959,1383.121582 2524.986816,1379.891357
	C2522.601562,1378.325684 2521.550049,1374.727539 2519.895020,1372.049316
	C2523.177979,1367.170654 2526.460938,1362.292114 2530.766846,1356.702393
z"/>
<path fill="#09183A" opacity="1.000000" stroke="none"
	d="
M2518.085938,1372.033203
	C2521.550049,1374.727539 2522.601562,1378.325684 2524.986816,1379.891357
	C2529.907959,1383.121582 2535.541016,1385.267700 2542.967773,1389.247314
	C2556.041504,1397.495728 2567.126221,1404.208008 2577.962402,1411.299805
	C2581.636963,1413.704590 2584.684082,1417.067993 2588.018066,1419.993286
	C2580.672607,1420.321777 2573.956055,1426.177002 2565.797607,1421.826538
	C2564.268066,1421.011108 2559.969238,1425.390015 2555.690430,1428.038086
	C2527.591797,1415.150146 2502.208008,1399.210815 2476.915527,1380.741211
	C2476.799316,1375.418579 2478.747070,1372.311646 2483.445801,1372.242554
	C2494.388184,1372.081665 2505.333008,1372.082153 2518.085938,1372.033203
z"/>
<path fill="#071C4A" opacity="1.000000" stroke="none"
	d="
M2720.075195,1424.263916
	C2730.726074,1422.418579 2735.776123,1413.267334 2743.463379,1405.639404
	C2756.209961,1399.767456 2765.591309,1391.119385 2775.719727,1381.404907
	C2779.403564,1378.827759 2782.412598,1377.418701 2786.640137,1375.715820
	C2788.028809,1383.013550 2793.932373,1385.166260 2799.505371,1387.348267
	C2816.179932,1393.876587 2832.743164,1400.761597 2849.689941,1406.504639
	C2873.088135,1414.434204 2894.945312,1425.615601 2917.062988,1436.342041
	C2923.531982,1439.479248 2930.593750,1441.393799 2938.946289,1443.797119
	C2941.678223,1446.902710 2942.847412,1450.079712 2944.188721,1454.569092
	C2946.101318,1468.538452 2947.841309,1481.195435 2950.601074,1495.000977
	C2951.740479,1501.651733 2951.860107,1507.153809 2951.988525,1515.823364
	C2951.918945,1522.020874 2951.840576,1525.051025 2951.761963,1528.081177
	C2942.070557,1523.854614 2932.166748,1520.050537 2922.732178,1515.312378
	C2903.817871,1505.813721 2885.588623,1494.980713 2865.927734,1486.932617
	C2851.217773,1480.911011 2836.752930,1474.292603 2822.136475,1468.039551
	C2792.264893,1455.260742 2761.072510,1446.261719 2730.296631,1436.072754
	C2726.523193,1434.823242 2722.750732,1433.570312 2717.909180,1431.136230
	C2717.918945,1428.057129 2718.997070,1426.160522 2720.075195,1424.263916
z"/>
<path fill="#83A4E3" opacity="1.000000" stroke="none"
	d="
M3133.644287,1394.066528
	C3128.621826,1395.943481 3123.682373,1395.732910 3118.692871,1392.646484
	C3091.028076,1375.534180 3063.673096,1357.807983 3035.166016,1342.202759
	C3007.175781,1326.880493 2978.126953,1313.429443 2949.169678,1299.959595
	C2932.339844,1292.131226 2915.552002,1284.254272 2897.773438,1278.296021
	C2871.385010,1269.452148 2845.425293,1259.382812 2818.949219,1250.614624
	C2781.125732,1238.088623 2742.753906,1227.912231 2704.225098,1218.095093
	C2696.559082,1216.141846 2688.846191,1214.370972 2679.495605,1211.968506
	C2679.425537,1209.561035 2681.015381,1207.700806 2683.261719,1204.815186
	C2693.718506,1198.769531 2703.519043,1193.749512 2714.918701,1189.905273
	C2719.874512,1198.053589 2726.596924,1198.574097 2733.051270,1200.259399
	C2763.735840,1208.271606 2794.603027,1215.752075 2824.869629,1225.146729
	C2850.121582,1232.984619 2874.948730,1242.446655 2899.395264,1252.563843
	C2934.871094,1267.245605 2969.975342,1282.855591 3004.942627,1298.720093
	C3017.567139,1304.447632 3029.384033,1311.974487 3041.491699,1318.817871
	C3062.241455,1330.546143 3083.227051,1341.903442 3103.476562,1354.445190
	C3110.181152,1358.597656 3116.506348,1360.402466 3123.946533,1359.999023
	C3126.252930,1365.885986 3128.559326,1371.773071 3131.545410,1378.846069
	C3132.591797,1384.195435 3132.958252,1388.358643 3133.644287,1394.066528
z"/>
<path fill="#536A99" opacity="1.000000" stroke="none"
	d="
M2299.748535,1298.448975
	C2295.785156,1301.900635 2291.389893,1305.280151 2286.493896,1306.334351
	C2274.945801,1308.821411 2263.122803,1309.997803 2251.477295,1312.076538
	C2234.637695,1315.082520 2217.786133,1318.089478 2201.068848,1321.694580
	C2179.846191,1326.271118 2158.566162,1330.774658 2137.659180,1336.566284
	C2119.267822,1341.660889 2101.297607,1348.321655 2083.294678,1354.722290
	C2080.570068,1355.690918 2078.679688,1359.005127 2074.910156,1362.352905
	C2069.033203,1360.673096 2064.649414,1357.874756 2059.601562,1354.018066
	C2053.936279,1348.760132 2048.935303,1344.560669 2044.172607,1338.908569
	C2047.515259,1330.023926 2055.179199,1330.448608 2061.042480,1328.409790
	C2123.379883,1306.733032 2187.102051,1290.439453 2252.319824,1280.107788
	C2260.760742,1278.770630 2269.156982,1277.149902 2277.573730,1275.660645
	C2283.389648,1276.335327 2286.498535,1280.763306 2289.777588,1284.754517
	C2293.082520,1288.777832 2296.001465,1293.118408 2299.748535,1298.448975
z"/>
<path fill="#5F79AB" opacity="1.000000" stroke="none"
	d="
M2276.993652,1274.378174
	C2269.156982,1277.149902 2260.760742,1278.770630 2252.319824,1280.107788
	C2187.102051,1290.439453 2123.379883,1306.733032 2061.042480,1328.409790
	C2055.179199,1330.448608 2047.515259,1330.023926 2042.832031,1338.608398
	C2032.737549,1333.851440 2024.221802,1327.942139 2015.706055,1322.032715
	C2017.403809,1314.422852 2023.638306,1311.612671 2029.905884,1309.409546
	C2046.065308,1303.729736 2062.222412,1297.958618 2078.651855,1293.151245
	C2104.030273,1285.725098 2129.460205,1278.325562 2155.191895,1272.296021
	C2182.150391,1265.979370 2209.516113,1261.416626 2236.632324,1255.744263
	C2240.228027,1254.992188 2243.400146,1252.217773 2247.531738,1249.037598
	C2258.347168,1255.409790 2270.107178,1261.234131 2276.993652,1274.378174
z"/>
<path fill="#465A84" opacity="1.000000" stroke="none"
	d="
M1736.083008,1575.982056
	C1734.714844,1567.743896 1733.346558,1559.505859 1731.834595,1549.711792
	C1731.842529,1546.304810 1731.994263,1544.453857 1733.718994,1541.253174
	C1738.911377,1538.558228 1743.000488,1537.887695 1746.068970,1535.751343
	C1759.574585,1526.348633 1772.696045,1516.396729 1786.120850,1506.875244
	C1820.051392,1482.810303 1855.509644,1461.093994 1891.630371,1440.569580
	C1905.823608,1432.504883 1919.891968,1423.317017 1936.492188,1421.937134
	C1934.811646,1435.691040 1933.153320,1447.758789 1929.972412,1459.873047
	C1925.168579,1460.320801 1921.364014,1459.782715 1918.689453,1461.272949
	C1898.400513,1472.575439 1877.793579,1483.440674 1858.312378,1496.030884
	C1821.560547,1519.782715 1784.748901,1543.545288 1750.786377,1571.295654
	C1746.259155,1574.994873 1741.566162,1576.247803 1736.083008,1575.982056
z"/>
<path fill="#516895" opacity="1.000000" stroke="none"
	d="
M1936.514404,1420.251099
	C1919.891968,1423.317017 1905.823608,1432.504883 1891.630371,1440.569580
	C1855.509644,1461.093994 1820.051392,1482.810303 1786.120850,1506.875244
	C1772.696045,1516.396729 1759.574585,1526.348633 1746.068970,1535.751343
	C1743.000488,1537.887695 1738.911377,1538.558228 1733.861572,1539.868530
	C1732.167480,1530.414307 1731.904053,1520.995117 1733.239258,1509.782227
	C1742.482910,1509.047119 1747.283569,1503.367676 1752.338379,1499.599121
	C1774.619263,1482.987427 1797.466064,1467.248657 1821.152466,1452.735596
	C1832.996338,1445.478638 1845.023315,1438.516479 1857.046997,1431.558228
	C1874.232544,1421.612549 1891.286621,1411.410034 1908.792603,1402.058228
	C1919.773071,1396.192261 1930.030884,1388.119751 1943.428711,1389.251709
	C1942.666382,1395.222412 1941.851318,1399.779541 1940.720825,1405.723633
	C1939.108276,1411.490845 1937.811401,1415.870972 1936.514404,1420.251099
z"/>
<path fill="#5B73A4" opacity="1.000000" stroke="none"
	d="
M1943.375977,1387.838257
	C1930.030884,1388.119751 1919.773071,1396.192261 1908.792603,1402.058228
	C1891.286621,1411.410034 1874.232544,1421.612549 1857.046997,1431.558228
	C1845.023315,1438.516479 1832.996338,1445.478638 1821.152466,1452.735596
	C1797.466064,1467.248657 1774.619263,1482.987427 1752.338379,1499.599121
	C1747.283569,1503.367676 1742.482910,1509.047119 1733.347412,1508.014526
	C1731.741821,1501.181763 1731.626953,1494.323120 1731.663330,1485.759399
	C1743.210449,1483.361572 1751.488525,1475.826660 1759.546021,1469.495605
	C1780.940796,1452.685181 1804.273926,1438.960449 1827.167114,1424.534302
	C1859.051880,1404.442505 1892.506470,1387.166504 1926.474365,1370.903076
	C1932.358398,1368.085938 1938.733643,1366.294678 1946.440796,1365.531250
	C1946.458374,1373.968140 1944.917236,1380.903198 1943.375977,1387.838257
z"/>
<path fill="#10409F" opacity="1.000000" stroke="none"
	d="
M1377.555664,3140.040527
	C1376.067505,3136.594971 1376.073242,3133.423096 1377.651123,3128.803223
	C1386.097534,3128.577148 1392.971802,3129.798828 1399.846191,3131.020996
	C1409.443359,3132.751953 1419.040527,3134.483154 1431.322998,3137.147217
	C1438.702637,3138.929932 1443.397217,3139.779541 1448.091797,3140.629150
	C1448.048218,3143.496338 1448.004639,3146.363770 1447.913574,3150.666992
	C1435.287476,3154.077148 1423.544922,3148.506836 1409.552734,3148.094238
	C1398.262573,3145.534668 1388.656006,3142.924316 1377.555664,3140.040527
z"/>
<path fill="#D6E2F8" opacity="1.000000" stroke="none"
	d="
M1855.735840,3236.184814
	C1846.374878,3234.702393 1837.014038,3233.219727 1824.916504,3230.841309
	C1817.451294,3229.298828 1812.722778,3228.652344 1807.994141,3228.005859
	C1807.994141,3228.005859 1806.484253,3227.338867 1804.779053,3226.477295
	C1800.669312,3225.359375 1798.264648,3225.103027 1795.860107,3224.846680
	C1793.207031,3224.286621 1790.554077,3223.726562 1785.509399,3222.317871
	C1779.453125,3221.063232 1775.788574,3220.656982 1772.123901,3220.250977
	C1772.123901,3220.250977 1770.463989,3219.329834 1769.521606,3219.457520
	C1743.379761,3210.528320 1717.173340,3206.608887 1690.646362,3204.360352
	C1685.405884,3203.916016 1680.147461,3203.682861 1674.243774,3203.311279
	C1669.788086,3177.479980 1665.414673,3152.125732 1660.412842,3123.802734
	C1655.102417,3101.457764 1650.166748,3082.138672 1645.801270,3062.691650
	C1640.132812,3037.439941 1633.785400,3012.280029 1634.221924,2986.760742
	C1645.025024,2989.191406 1650.453613,2995.840576 1655.455200,3002.999268
	C1660.372681,3010.037598 1664.982666,3017.308350 1670.196167,3024.118652
	C1679.817383,3036.685791 1689.619385,3049.123291 1699.651733,3061.364502
	C1708.020020,3071.575439 1716.188721,3082.073730 1725.558960,3091.316162
	C1752.420532,3117.812500 1777.377319,3146.320801 1807.437744,3169.484375
	C1819.448853,3178.739746 1831.770264,3187.713867 1842.905396,3197.952393
	C1855.691528,3209.708496 1870.169189,3218.859375 1884.579468,3228.206787
	C1888.768677,3230.923828 1891.747070,3234.006348 1891.683228,3239.726807
	C1891.499634,3240.244385 1891.690063,3241.325928 1891.690063,3241.325928
	C1884.795532,3240.744629 1877.901001,3240.163330 1868.614014,3238.227051
	C1862.726318,3236.642822 1859.231079,3236.413818 1855.735840,3236.184814
z"/>
<path fill="#465A84" opacity="1.000000" stroke="none"
	d="
M1732.415771,3332.192383
	C1732.312500,3327.864014 1732.209351,3323.535889 1732.027588,3317.583496
	C1733.273926,3309.009033 1734.598633,3302.058350 1737.514404,3293.583496
	C1741.665771,3292.627686 1744.663696,3292.530518 1746.711792,3293.877441
	C1756.662354,3300.422363 1766.507935,3307.149902 1776.107422,3314.198730
	C1788.896973,3323.589844 1800.961670,3334.036621 1814.165771,3342.779053
	C1838.446655,3358.855957 1862.965576,3374.648193 1888.112549,3389.312012
	C1901.673096,3397.219482 1914.941284,3406.749512 1931.677856,3409.752441
	C1934.440186,3422.248535 1937.017334,3433.171631 1939.372559,3445.160645
	C1938.841309,3446.883057 1938.532227,3447.539795 1936.706909,3448.158691
	C1927.692505,3448.650879 1920.796265,3446.882080 1914.220093,3443.208984
	C1899.772461,3435.139404 1884.812256,3427.916016 1870.772583,3419.201416
	C1831.475342,3394.809082 1791.817749,3370.953125 1755.309204,3342.293701
	C1748.944702,3337.297852 1742.324829,3330.295898 1732.415771,3332.192383
z"/>
<path fill="#465A84" opacity="1.000000" stroke="none"
	d="
M1561.596069,3140.109863
	C1555.752197,3140.165527 1551.429565,3140.090088 1545.388184,3138.515137
	C1540.440430,3131.337402 1537.704956,3125.298584 1533.872803,3120.062012
	C1527.267822,3111.036621 1519.335205,3102.944336 1513.109619,3093.687012
	C1498.779785,3072.378418 1484.580688,3050.941162 1471.371948,3028.930176
	C1456.777344,3004.609863 1443.309082,2979.612061 1429.438477,2954.859619
	C1426.195312,2949.072510 1423.272217,2943.096436 1425.642578,2936.032227
	C1439.447388,2937.587891 1451.584351,2939.225586 1463.978638,2942.242676
	C1476.316406,2970.877441 1491.073364,2996.628662 1507.499756,3021.485840
	C1518.754150,3038.516113 1528.591553,3056.568848 1540.821533,3072.842529
	C1551.489014,3087.037354 1559.592285,3103.238037 1573.148804,3115.280273
	C1579.243530,3120.694336 1583.035156,3127.619141 1583.955688,3135.896973
	C1577.009521,3137.257568 1570.063354,3138.618164 1561.596069,3140.109863
z"/>
<path fill="#394B70" opacity="1.000000" stroke="none"
	d="
M1931.492432,3408.179443
	C1914.941284,3406.749512 1901.673096,3397.219482 1888.112549,3389.312012
	C1862.965576,3374.648193 1838.446655,3358.855957 1814.165771,3342.779053
	C1800.961670,3334.036621 1788.896973,3323.589844 1776.107422,3314.198730
	C1766.507935,3307.149902 1756.662354,3300.422363 1746.711792,3293.877441
	C1744.663696,3292.530518 1741.665771,3292.627686 1737.646729,3292.060547
	C1738.043335,3279.423096 1739.898926,3266.784424 1744.298096,3253.074219
	C1751.821045,3251.809326 1755.547485,3254.146729 1759.308594,3257.249512
	C1771.036987,3266.924072 1782.819824,3276.562988 1795.017212,3285.630127
	C1808.833496,3295.900879 1822.980591,3305.744629 1837.237671,3315.399658
	C1855.871216,3328.018311 1874.661987,3340.411865 1893.572632,3352.611572
	C1901.362671,3357.636963 1909.514038,3362.153076 1917.767944,3366.379883
	C1920.566650,3367.812988 1924.185303,3367.645264 1927.589844,3369.838867
	C1928.107788,3376.923340 1928.465088,3382.377686 1928.730225,3389.311523
	C1929.589600,3396.587158 1930.541016,3402.383301 1931.492432,3408.179443
z"/>
<path fill="#394B70" opacity="1.000000" stroke="none"
	d="
M1585.587769,3135.978027
	C1583.035156,3127.619141 1579.243530,3120.694336 1573.148804,3115.280273
	C1559.592285,3103.238037 1551.489014,3087.037354 1540.821533,3072.842529
	C1528.591553,3056.568848 1518.754150,3038.516113 1507.499756,3021.485840
	C1491.073364,2996.628662 1476.316406,2970.877441 1465.587036,2942.154053
	C1476.329590,2944.350342 1486.147461,2944.320312 1497.331787,2944.086914
	C1501.838867,2945.337402 1505.008423,2946.539551 1508.130005,2949.268066
	C1509.387817,2955.165039 1509.889893,2960.009521 1512.138428,2963.823975
	C1521.832031,2980.269287 1531.807617,2996.559814 1542.103027,3012.636475
	C1565.903320,3049.800537 1590.999146,3086.023193 1620.509644,3119.004639
	C1622.509644,3121.239746 1622.855469,3124.954834 1623.970703,3127.981445
	C1612.252441,3133.094482 1599.595337,3133.936279 1585.587769,3135.978027
z"/>
<path fill="#2D3C5E" opacity="1.000000" stroke="none"
	d="
M1927.429199,3368.209229
	C1924.185303,3367.645264 1920.566650,3367.812988 1917.767944,3366.379883
	C1909.514038,3362.153076 1901.362671,3357.636963 1893.572632,3352.611572
	C1874.661987,3340.411865 1855.871216,3328.018311 1837.237671,3315.399658
	C1822.980591,3305.744629 1808.833496,3295.900879 1795.017212,3285.630127
	C1782.819824,3276.562988 1771.036987,3266.924072 1759.308594,3257.249512
	C1755.547485,3254.146729 1751.821045,3251.809326 1745.363647,3251.955322
	C1744.466309,3247.697998 1746.182861,3244.345215 1750.965820,3244.191650
	C1756.796265,3244.004395 1762.637817,3244.165527 1770.157471,3244.212891
	C1778.217041,3249.923340 1786.818481,3248.888916 1794.238403,3251.491943
	C1804.194580,3254.984619 1814.674194,3256.985596 1826.603638,3261.239258
	C1830.114868,3269.962891 1836.050781,3272.948242 1841.455322,3276.928711
	C1865.493774,3294.634277 1891.160767,3309.796875 1916.359497,3325.689209
	C1918.501343,3327.040039 1921.332153,3327.298584 1923.842896,3328.064453
	C1923.944580,3329.811768 1924.046387,3331.559082 1924.145020,3336.252930
	C1924.830811,3343.697021 1925.666504,3348.177979 1926.169922,3352.696045
	C1926.744385,3357.849854 1927.022461,3363.036621 1927.429199,3368.209229
z"/>
<path fill="#081636" opacity="1.000000" stroke="none"
	d="
M1508.177979,2947.741699
	C1505.008423,2946.539551 1501.838867,2945.337402 1497.327026,2942.594727
	C1495.996826,2938.070801 1496.008789,2935.087646 1497.800537,2932.092773
	C1508.617188,2932.572998 1517.663940,2932.933350 1526.688354,2933.598633
	C1533.744385,2934.118652 1540.772827,2935.017090 1549.673096,2935.831543
	C1567.595215,2935.870605 1583.657715,2935.825439 1600.365479,2937.007324
	C1605.800781,2944.513916 1610.259277,2951.088135 1615.491333,2956.975342
	C1619.277344,2961.235596 1622.343018,2960.244629 1628.208740,2953.982422
	C1628.531982,2953.692871 1629.143311,2953.076660 1628.908936,2954.680176
	C1629.992798,2966.269531 1631.311035,2976.255371 1632.629150,2986.240967
	C1633.785400,3012.280029 1640.132812,3037.439941 1645.801270,3062.691650
	C1650.166748,3082.138672 1655.102417,3101.457764 1659.692139,3122.407227
	C1653.558960,3124.453613 1648.532349,3122.687744 1644.073730,3118.304199
	C1641.474976,3115.749268 1637.804321,3114.284180 1632.172363,3111.169922
	C1625.638428,3095.465576 1621.853638,3080.823730 1617.314209,3066.419434
	C1615.379639,3060.280518 1618.166260,3052.833496 1612.144531,3046.192383
	C1611.760864,3039.879395 1612.129761,3035.052734 1610.896973,3030.677246
	C1604.963257,3009.612793 1603.455322,2987.831299 1600.033936,2966.368408
	C1598.209717,2954.924561 1596.433716,2952.313721 1585.157837,2952.200195
	C1572.550171,2952.072998 1560.063110,2951.592529 1545.994019,2948.373779
	C1532.189697,2948.096924 1520.183960,2947.919189 1508.177979,2947.741699
z"/>
<path fill="#2D3C5E" opacity="1.000000" stroke="none"
	d="
M1612.158936,3047.886475
	C1618.166260,3052.833496 1615.379639,3060.280518 1617.314209,3066.419434
	C1621.853638,3080.823730 1625.638428,3095.465576 1630.756592,3111.063477
	C1632.044067,3117.757568 1631.921265,3123.262207 1625.225708,3127.417236
	C1622.855469,3124.954834 1622.509644,3121.239746 1620.509644,3119.004639
	C1590.999146,3086.023193 1565.903320,3049.800537 1542.103027,3012.636475
	C1531.807617,2996.559814 1521.832031,2980.269287 1512.138428,2963.823975
	C1509.889893,2960.009521 1509.387817,2955.165039 1508.130127,2949.268066
	C1520.183960,2947.919189 1532.189697,2948.096924 1546.057129,2949.873047
	C1548.972046,2955.887207 1548.958618,2960.975586 1551.249878,2964.611084
	C1567.474976,2990.354004 1584.208008,3015.776123 1600.684692,3041.361328
	C1603.447388,3045.651367 1607.054443,3047.960205 1612.158936,3047.886475
z"/>
<path fill="#0A2A6A" opacity="1.000000" stroke="none"
	d="
M1643.848267,3190.428711
	C1634.675171,3193.281006 1629.009888,3187.729980 1623.786133,3181.557129
	C1616.145508,3172.528564 1608.654663,3163.373291 1600.534668,3153.039062
	C1605.507202,3146.088379 1613.474976,3147.016602 1620.230347,3144.947510
	C1629.965332,3141.965820 1639.207886,3148.900391 1639.560547,3159.418457
	C1639.897705,3169.472656 1641.736328,3179.095459 1643.848267,3190.428711
z"/>
<path fill="#5F79AB" opacity="1.000000" stroke="none"
	d="
M1732.376587,3408.074219
	C1732.156494,3395.920166 1731.936401,3383.766357 1733.249756,3369.938477
	C1739.526367,3370.580566 1744.585205,3372.420898 1748.942505,3375.316650
	C1756.651978,3380.440430 1763.651001,3386.651123 1771.448364,3391.620850
	C1797.114746,3407.979736 1821.579346,3426.223145 1848.618408,3440.446533
	C1859.750244,3446.302734 1870.243896,3453.363037 1881.310059,3459.354736
	C1898.235962,3468.519531 1915.316772,3477.412354 1932.549194,3485.983398
	C1935.913818,3487.656738 1940.269409,3487.337646 1944.703613,3489.115723
	C1947.096558,3495.048828 1948.953979,3499.803467 1950.992676,3506.163086
	C1951.494141,3513.164795 1951.814209,3518.561768 1950.606079,3523.949707
	C1936.819092,3519.192139 1923.798828,3515.801270 1912.447632,3509.434570
	C1881.311279,3491.970459 1848.710571,3477.137451 1818.837036,3457.402344
	C1796.252075,3442.482178 1773.287231,3428.120850 1751.025757,3412.737549
	C1744.908081,3408.510010 1739.002075,3407.959717 1732.376587,3408.074219
z"/>
<path fill="#536A99" opacity="1.000000" stroke="none"
	d="
M1944.167969,3487.937500
	C1940.269409,3487.337646 1935.913818,3487.656738 1932.549194,3485.983398
	C1915.316772,3477.412354 1898.235962,3468.519531 1881.310059,3459.354736
	C1870.243896,3453.363037 1859.750244,3446.302734 1848.618408,3440.446533
	C1821.579346,3426.223145 1797.114746,3407.979736 1771.448364,3391.620850
	C1763.651001,3386.651123 1756.651978,3380.440430 1748.942505,3375.316650
	C1744.585205,3372.420898 1739.526367,3370.580566 1733.356812,3368.119629
	C1731.996582,3357.230957 1732.062866,3346.487305 1732.272461,3333.968262
	C1742.324829,3330.295898 1748.944702,3337.297852 1755.309204,3342.293701
	C1791.817749,3370.953125 1831.475342,3394.809082 1870.772583,3419.201416
	C1884.812256,3427.916016 1899.772461,3435.139404 1914.220093,3443.208984
	C1920.796265,3446.882080 1927.692505,3448.650879 1937.163940,3449.819824
	C1940.814087,3463.658447 1942.490967,3475.798096 1944.167969,3487.937500
z"/>
<path fill="#6C88BF" opacity="1.000000" stroke="none"
	d="
M1732.251221,3409.860352
	C1739.002075,3407.959717 1744.908081,3408.510010 1751.025757,3412.737549
	C1773.287231,3428.120850 1796.252075,3442.482178 1818.837036,3457.402344
	C1848.710571,3477.137451 1881.311279,3491.970459 1912.447632,3509.434570
	C1923.798828,3515.801270 1936.819092,3519.192139 1951.247437,3525.311279
	C1956.033325,3537.589600 1958.649536,3548.497070 1959.723633,3559.464844
	C1944.771484,3554.020996 1930.984009,3549.277588 1918.034424,3542.847168
	C1894.953735,3531.385498 1872.395020,3518.874756 1849.589722,3506.856201
	C1818.021118,3490.219238 1787.613037,3471.645752 1757.931519,3451.873047
	C1751.797485,3447.786865 1745.783813,3443.782471 1737.966797,3444.342285
	C1736.769287,3443.543945 1735.571655,3442.745361 1734.013428,3441.353760
	C1733.143921,3431.055908 1732.635010,3421.351318 1732.251221,3409.860352
z"/>
<path fill="#526997" opacity="1.000000" stroke="none"
	d="
M1423.974731,2936.114258
	C1423.272217,2943.096436 1426.195312,2949.072510 1429.438477,2954.859619
	C1443.309082,2979.612061 1456.777344,3004.609863 1471.371948,3028.930176
	C1484.580688,3050.941162 1498.779785,3072.378418 1513.109619,3093.687012
	C1519.335205,3102.944336 1527.267822,3111.036621 1533.872803,3120.062012
	C1537.704956,3125.298584 1540.440430,3131.337402 1543.770874,3138.411377
	C1538.757446,3140.869873 1533.673584,3142.593262 1528.520386,3142.834229
	C1521.420898,3143.166016 1514.269043,3142.377930 1505.625488,3139.849121
	C1502.860962,3133.951660 1502.175293,3129.937744 1500.229980,3126.675049
	C1497.202026,3121.596680 1493.105469,3117.169678 1489.832031,3112.221680
	C1471.223267,3084.092285 1452.340942,3056.132812 1434.294067,3027.645264
	C1415.463257,2997.920410 1400.999756,2965.813232 1385.325684,2934.383545
	C1384.470703,2932.669434 1384.463135,2930.532227 1384.031494,2928.164551
	C1384.001831,2927.737061 1383.952393,2926.888184 1385.530518,2927.267578
	C1399.397217,2930.469482 1411.685913,2933.291992 1423.974731,2936.114258
z"/>
<path fill="#5F79AB" opacity="1.000000" stroke="none"
	d="
M1384.061035,2928.592041
	C1384.463135,2930.532227 1384.470703,2932.669434 1385.325684,2934.383545
	C1400.999756,2965.813232 1415.463257,2997.920410 1434.294067,3027.645264
	C1452.340942,3056.132812 1471.223267,3084.092285 1489.832031,3112.221680
	C1493.105469,3117.169678 1497.202026,3121.596680 1500.229980,3126.675049
	C1502.175293,3129.937744 1502.860962,3133.951660 1504.263916,3139.172607
	C1493.503662,3140.719238 1482.590576,3140.722168 1469.841309,3139.002441
	C1466.717651,3133.629395 1466.064941,3129.567139 1464.017456,3126.409912
	C1458.996094,3118.667236 1453.036621,3111.534424 1447.988647,3103.807373
	C1438.233643,3088.874512 1428.892334,3073.672119 1419.298218,3058.633545
	C1397.209717,3024.009766 1377.584839,2988.010010 1359.726807,2951.060059
	C1355.462891,2942.237793 1351.061157,2933.077148 1354.340088,2922.831299
	C1365.295166,2924.891357 1374.678101,2926.741699 1384.061035,2928.592041
z"/>
<path fill="#6C88BF" opacity="1.000000" stroke="none"
	d="
M1352.767822,2922.621582
	C1351.061157,2933.077148 1355.462891,2942.237793 1359.726807,2951.060059
	C1377.584839,2988.010010 1397.209717,3024.009766 1419.298218,3058.633545
	C1428.892334,3073.672119 1438.233643,3088.874512 1447.988647,3103.807373
	C1453.036621,3111.534424 1458.996094,3118.667236 1464.017456,3126.409912
	C1466.064941,3129.567139 1466.717651,3133.629395 1468.050659,3138.780029
	C1462.535645,3140.305908 1456.974731,3140.331543 1449.752930,3140.493164
	C1443.397217,3139.779541 1438.702637,3138.929932 1432.973145,3137.109863
	C1429.334229,3130.147217 1427.631592,3123.531494 1423.987671,3118.257568
	C1385.393433,3062.400635 1354.193237,3002.411133 1324.835083,2941.406982
	C1320.865356,2933.158447 1318.923462,2923.933594 1317.540894,2913.632812
	C1330.282104,2915.610352 1341.525024,2919.115967 1352.767822,2922.621582
z"/>
<path fill="#83A4E3" opacity="1.000000" stroke="none"
	d="
M1399.854492,3129.620117
	C1392.971802,3129.798828 1386.097534,3128.577148 1377.705078,3127.214600
	C1373.843384,3125.768555 1371.499878,3124.463135 1368.470581,3120.842773
	C1368.234741,3113.645020 1366.469482,3109.663330 1363.750610,3105.568848
	C1341.323608,3071.795898 1323.002319,3035.649902 1304.261108,2999.822754
	C1292.276978,2976.912842 1282.441650,2952.824707 1272.544556,2928.891846
	C1261.131348,2901.292236 1250.391479,2873.401123 1239.973389,2845.407959
	C1233.289307,2827.448486 1226.562744,2809.355225 1222.063477,2790.786865
	C1219.251587,2779.182129 1215.085938,2768.086182 1212.229858,2756.584717
	C1209.041626,2743.745361 1206.438110,2730.756348 1203.791870,2717.789307
	C1202.750366,2712.685303 1199.662842,2709.634521 1195.233154,2707.532959
	C1200.015747,2698.678711 1204.798218,2689.824463 1210.611694,2680.066406
	C1216.117920,2686.449707 1218.865723,2694.012939 1220.886963,2702.643311
	C1228.262695,2734.134277 1237.571411,2765.172852 1246.155640,2796.380859
	C1257.396606,2837.248291 1273.247559,2876.506104 1288.653198,2915.870605
	C1303.416138,2953.591553 1321.635132,2989.849609 1341.061890,3025.327637
	C1358.815430,3057.749268 1378.920410,3088.881592 1397.847290,3120.666748
	C1399.129883,3122.820801 1399.218628,3125.685303 1399.854492,3129.620117
z"/>
<path fill="#0E3580" opacity="1.000000" stroke="none"
	d="
M1354.340088,2922.831055
	C1341.525024,2919.115967 1330.282104,2915.610352 1317.520752,2912.093506
	C1309.630981,2908.463379 1301.256348,2906.278076 1304.578613,2894.473877
	C1312.536011,2880.356445 1320.304810,2867.621338 1328.479004,2853.506836
	C1336.062012,2847.843018 1337.420654,2839.567383 1343.431763,2833.814453
	C1347.458496,2838.021240 1350.835693,2839.872559 1354.906006,2841.053223
	C1348.835571,2851.144043 1342.616943,2859.660156 1337.561646,2868.818359
	C1332.314209,2878.324463 1323.751587,2886.111328 1321.017334,2898.465088
	C1335.197266,2901.822998 1348.515869,2904.794189 1361.729126,2908.176514
	C1369.233032,2910.097168 1376.564453,2912.691406 1383.975342,2916.477539
	C1383.968750,2920.944580 1383.960571,2923.916504 1383.952393,2926.888184
	C1383.952393,2926.888184 1384.001831,2927.737061 1384.031494,2928.164551
	C1374.678101,2926.741699 1365.295166,2924.891357 1354.340088,2922.831055
z"/>
<path fill="#8CB0F2" opacity="1.000000" stroke="none"
	d="
M1194.229858,2708.476318
	C1199.662842,2709.634521 1202.750366,2712.685303 1203.791870,2717.789307
	C1206.438110,2730.756348 1209.041626,2743.745361 1212.229858,2756.584717
	C1215.085938,2768.086182 1219.251587,2779.182129 1222.063477,2790.786865
	C1226.562744,2809.355225 1233.289307,2827.448486 1239.973389,2845.407959
	C1250.391479,2873.401123 1261.131348,2901.292236 1272.544556,2928.891846
	C1282.441650,2952.824707 1292.276978,2976.912842 1304.261108,2999.822754
	C1323.002319,3035.649902 1341.323608,3071.795898 1363.750610,3105.568848
	C1366.469482,3109.663330 1368.234741,3113.645020 1367.675537,3120.172363
	C1290.831299,3098.665771 1229.257568,3055.264404 1187.870728,2985.694336
	C1167.872803,2952.079102 1157.580200,2915.293213 1155.329224,2876.117676
	C1151.922852,2816.826172 1165.556396,2761.566406 1194.229858,2708.476318
z"/>
<path fill="#061232" opacity="1.000000" stroke="none"
	d="
M1628.287476,1760.124756
	C1633.681152,1760.246948 1638.370850,1758.797729 1642.941406,1755.583374
	C1645.930542,1753.481201 1650.145752,1753.122314 1655.360962,1753.619385
	C1651.946045,1777.910278 1646.514648,1800.474854 1642.157593,1823.244873
	C1638.307983,1843.364258 1635.656006,1863.712769 1631.932007,1885.489014
	C1630.660034,1896.647461 1629.931152,1906.277222 1628.734131,1916.946533
	C1627.928711,1918.667603 1627.591309,1919.348755 1625.816162,1920.057007
	C1617.542603,1919.798706 1613.047974,1923.812012 1609.859741,1929.003906
	C1603.635376,1939.139526 1597.511963,1949.381104 1592.105103,1959.966187
	C1577.971191,1987.636230 1564.240601,2015.512451 1550.364380,2043.314087
	C1548.588501,2046.872192 1546.562744,2050.353027 1545.225098,2054.075439
	C1530.261963,2095.717773 1513.223755,2136.638184 1502.089600,2179.612793
	C1497.923462,2195.692871 1493.289185,2211.574707 1497.730469,2229.259277
	C1496.485718,2231.881348 1495.539551,2233.570068 1493.500854,2235.878906
	C1488.051147,2242.511475 1483.694092,2248.523926 1478.170898,2255.284668
	C1454.700073,2284.907227 1435.457886,2315.821777 1416.382568,2346.854004
	C1412.604004,2353.001465 1408.366577,2358.866943 1404.340698,2364.862305
	C1397.228027,2356.162354 1394.637085,2346.179443 1396.069092,2332.050537
	C1403.495972,2316.654541 1410.803101,2304.341064 1417.979492,2291.951904
	C1420.218872,2288.085693 1422.105347,2284.015381 1425.226562,2279.256104
	C1441.205322,2258.566895 1456.020142,2238.591309 1471.060303,2218.786621
	C1477.199219,2210.702637 1477.962524,2204.825684 1471.324707,2197.823975
	C1462.769897,2188.800293 1453.440674,2180.510498 1444.341675,2170.937988
	C1444.238403,2169.970947 1443.974243,2168.043945 1444.012817,2166.447754
	C1446.516235,2155.283691 1448.510620,2145.564209 1451.529541,2136.174072
	C1462.864746,2100.917480 1474.139282,2065.630127 1489.874146,2031.976074
	C1494.632935,2021.797729 1499.232300,2011.503784 1503.146484,2000.980835
	C1510.101929,1982.281982 1519.039062,1964.680664 1529.586060,1947.757812
	C1534.775024,1939.431763 1540.535400,1930.984131 1541.365479,1920.213867
	C1544.415894,1919.988281 1546.161743,1919.891846 1549.663330,1919.880615
	C1567.295410,1920.635986 1582.281128,1915.183838 1598.247925,1914.508057
	C1601.647217,1893.315552 1604.808594,1873.287231 1608.091064,1853.278931
	C1609.684082,1843.567383 1613.354736,1834.147217 1612.294678,1822.534424
	C1617.306274,1804.921387 1623.873535,1789.239258 1625.113770,1771.194824
	C1626.832153,1766.929077 1627.559814,1763.526855 1628.287476,1760.124756
z"/>
<path fill="#D6E2F8" opacity="1.000000" stroke="none"
	d="
M1404.165283,2366.215820
	C1408.366577,2358.866943 1412.604004,2353.001465 1416.382568,2346.854004
	C1435.457886,2315.821777 1454.700073,2284.907227 1478.798584,2256.815430
	C1483.439209,2262.368408 1484.381958,2267.362061 1483.162231,2272.912109
	C1479.184692,2291.013184 1476.010620,2309.232666 1475.941650,2327.859619
	C1475.931763,2330.510986 1476.193970,2333.435059 1475.214600,2335.763916
	C1470.906250,2346.008057 1472.360229,2356.723633 1471.970947,2367.309814
	C1471.460938,2381.181396 1473.581909,2395.170410 1468.824951,2408.875732
	C1467.434082,2412.883057 1468.255981,2418.285156 1469.675171,2422.506592
	C1472.363770,2430.504150 1472.075317,2437.900146 1469.519043,2445.876953
	C1466.848022,2454.211426 1467.309082,2462.898926 1469.728027,2471.446045
	C1470.803223,2475.244873 1471.771973,2479.213379 1471.866821,2483.126953
	C1472.347900,2503.003174 1472.316772,2522.739258 1475.400391,2542.642578
	C1478.121094,2560.204590 1480.261108,2577.925537 1483.098633,2595.527344
	C1484.226929,2602.526611 1486.404785,2610.102051 1478.692993,2615.422607
	C1458.098389,2589.525146 1440.866943,2562.789307 1423.804443,2535.932617
	C1416.107300,2523.816895 1408.167114,2511.855713 1400.337036,2499.824463
	C1392.218872,2481.386475 1379.157349,2466.376709 1366.491821,2451.100830
	C1362.725708,2446.558594 1358.776123,2442.167969 1354.339233,2437.048828
	C1356.661011,2433.396240 1358.291748,2429.814941 1360.808472,2427.035889
	C1377.356812,2408.763672 1391.446289,2388.734863 1404.165283,2366.215820
z"/>
<path fill="#445881" opacity="1.000000" stroke="none"
	d="
M1321.332397,2315.770020
	C1316.303223,2311.193848 1312.536987,2306.932617 1309.385254,2300.617676
	C1313.557007,2293.617432 1315.545288,2288.278076 1316.116211,2282.040039
	C1317.137695,2270.880859 1318.410400,2259.674561 1320.664307,2248.711426
	C1326.911987,2218.320801 1333.131104,2187.901123 1340.498291,2157.771240
	C1345.994019,2135.295410 1353.266479,2113.254395 1359.731323,2091.014893
	C1361.404053,2085.260986 1362.842163,2079.388672 1369.464355,2076.391602
	C1372.230713,2077.985107 1374.025879,2079.145508 1376.359863,2081.529053
	C1381.993896,2091.074463 1387.089111,2099.396973 1391.575684,2109.059082
	C1387.494751,2118.994141 1383.264648,2127.371826 1380.724121,2136.234131
	C1376.724243,2150.187500 1374.106079,2164.529785 1370.470703,2178.595947
	C1359.209595,2222.168457 1352.110107,2266.439697 1348.015625,2311.207764
	C1347.288452,2319.158691 1343.657715,2323.408447 1335.799927,2324.156006
	C1331.398438,2321.465576 1326.996948,2318.775391 1321.332397,2315.770020
z"/>
<path fill="#394B70" opacity="1.000000" stroke="none"
	d="
M1336.451904,2325.341064
	C1343.657715,2323.408447 1347.288452,2319.158691 1348.015625,2311.207764
	C1352.110107,2266.439697 1359.209595,2222.168457 1370.470703,2178.595947
	C1374.106079,2164.529785 1376.724243,2150.187500 1380.724121,2136.234131
	C1383.264648,2127.371826 1387.494751,2118.994141 1392.707642,2109.677002
	C1398.999756,2113.927002 1403.551270,2118.899170 1408.582520,2125.072266
	C1411.608521,2130.804688 1414.154541,2135.335938 1415.476074,2140.751465
	C1410.834839,2153.040283 1406.747192,2164.293945 1404.134888,2175.879883
	C1397.880127,2203.623047 1390.409912,2231.032471 1386.867920,2259.476562
	C1384.503540,2278.463135 1378.795044,2297.034912 1379.910645,2316.511475
	C1380.061157,2319.136475 1380.123535,2322.095459 1379.100586,2324.400146
	C1375.137085,2333.330078 1376.161743,2342.698975 1375.975586,2351.980469
	C1361.046265,2346.507324 1348.685791,2337.111328 1336.451904,2325.341064
z"/>
<path fill="#334467" opacity="1.000000" stroke="none"
	d="
M1355.587158,2531.549561
	C1363.433838,2521.804443 1372.568237,2516.981201 1386.334595,2525.632812
	C1388.400146,2533.894775 1391.451294,2539.132812 1395.732788,2543.987793
	C1397.679932,2546.195801 1398.609009,2549.301514 1398.835205,2553.114502
	C1397.329956,2562.775879 1395.700073,2571.509277 1396.902222,2579.833252
	C1399.920044,2600.731689 1403.916626,2621.506104 1408.089844,2642.215576
	C1412.139771,2662.313477 1416.587402,2682.346436 1421.570190,2702.230225
	C1422.774658,2707.036621 1423.004150,2713.065430 1428.102539,2717.429688
	C1421.378296,2727.187988 1414.955200,2735.640625 1407.518188,2744.115723
	C1405.831055,2744.137695 1405.157959,2744.137695 1403.292603,2743.242188
	C1400.046387,2736.099121 1397.677734,2729.935059 1395.990356,2723.589844
	C1385.989380,2685.981445 1376.886841,2648.175781 1371.570923,2609.557129
	C1370.585327,2602.397949 1368.900635,2595.328613 1368.067383,2588.156250
	C1366.395264,2573.761719 1365.625610,2559.238281 1363.328125,2544.953857
	C1362.562378,2540.193848 1358.268188,2536.001465 1355.587158,2531.549561
z"/>
<path fill="#081636" opacity="1.000000" stroke="none"
	d="
M1408.532227,2744.093506
	C1414.955200,2735.640625 1421.378296,2727.187988 1429.266846,2716.817383
	C1440.330322,2704.073486 1449.479126,2692.798340 1459.685303,2682.579346
	C1466.422485,2675.833740 1468.448730,2668.490234 1468.156372,2659.433350
	C1467.884644,2651.008545 1464.620239,2644.195557 1459.584961,2637.822510
	C1444.461426,2618.681152 1430.271973,2598.941162 1418.297974,2577.584229
	C1413.201416,2568.493896 1406.158447,2560.494873 1400.000000,2552.000000
	C1398.609009,2549.301514 1397.679932,2546.195801 1395.732788,2543.987793
	C1391.451294,2539.132812 1388.400146,2533.894775 1387.741699,2525.943359
	C1388.677979,2515.581299 1388.803223,2506.237793 1398.895020,2500.099121
	C1408.167114,2511.855713 1416.107300,2523.816895 1423.804443,2535.932617
	C1440.866943,2562.789307 1458.098389,2589.525146 1478.999512,2616.699219
	C1485.688843,2624.403076 1490.900024,2630.178711 1496.117432,2636.990723
	C1495.911987,2638.684326 1495.700684,2639.342041 1494.060059,2640.038574
	C1490.236816,2640.761719 1487.842896,2641.446045 1485.346680,2642.159668
	C1487.694702,2654.123291 1489.843262,2665.071533 1490.795410,2676.595215
	C1478.372559,2688.736328 1467.146240,2700.302246 1454.734131,2712.504395
	C1440.405884,2724.392578 1429.838013,2737.864502 1419.063232,2752.154297
	C1418.086548,2752.308838 1416.168335,2752.789551 1415.749268,2751.663086
	C1413.064087,2748.388916 1410.798096,2746.241211 1408.532227,2744.093506
z"/>
<path fill="#3D4F76" opacity="1.000000" stroke="none"
	d="
M1354.252930,2531.811768
	C1358.268188,2536.001465 1362.562378,2540.193848 1363.328125,2544.953857
	C1365.625610,2559.238281 1366.395264,2573.761719 1368.067383,2588.156250
	C1368.900635,2595.328613 1370.585327,2602.397949 1371.570923,2609.557129
	C1376.886841,2648.175781 1385.989380,2685.981445 1395.990356,2723.589844
	C1397.677734,2729.935059 1400.046387,2736.099121 1402.986328,2744.594727
	C1396.844238,2757.357910 1390.755371,2768.613525 1380.452148,2776.546387
	C1380.328735,2760.268311 1373.065308,2745.696045 1369.091309,2730.367676
	C1362.281128,2704.099365 1356.921997,2677.575928 1351.303345,2651.056152
	C1346.498047,2628.375488 1343.466797,2605.469727 1339.056519,2582.774414
	C1337.800171,2576.309082 1337.348511,2569.659424 1335.702515,2563.308105
	C1334.767822,2559.701660 1332.160400,2556.529053 1328.938843,2552.346680
	C1336.020386,2545.046143 1344.469604,2538.560059 1354.252930,2531.811768
z"/>
<path fill="#2D3C5E" opacity="1.000000" stroke="none"
	d="
M1377.320557,2351.835205
	C1376.161743,2342.698975 1375.137085,2333.330078 1379.100586,2324.400146
	C1380.123535,2322.095459 1380.061157,2319.136475 1379.910645,2316.511475
	C1378.795044,2297.034912 1384.503540,2278.463135 1386.867920,2259.476562
	C1390.409912,2231.032471 1397.880127,2203.623047 1404.134888,2175.879883
	C1406.747192,2164.293945 1410.834839,2153.040283 1416.742432,2140.989746
	C1427.480103,2149.577148 1435.727173,2158.810547 1443.974243,2168.043945
	C1443.974243,2168.043945 1444.238403,2169.970947 1442.964844,2171.611328
	C1439.902222,2175.895508 1437.116089,2178.320557 1436.480103,2181.218018
	C1430.887451,2206.692383 1425.245361,2232.172852 1420.631836,2257.833740
	C1419.333740,2265.053711 1417.134155,2273.602051 1424.153320,2280.038330
	C1422.105347,2284.015381 1420.218872,2288.085693 1417.979492,2291.951904
	C1410.803101,2304.341064 1403.495972,2316.654541 1396.002197,2330.389160
	C1392.587402,2335.685547 1389.475708,2339.646484 1386.209961,2343.475830
	C1383.799072,2346.302490 1381.187500,2348.958008 1377.320557,2351.835205
z"/>
<path fill="#0A255B" opacity="1.000000" stroke="none"
	d="
M1380.162231,2777.847168
	C1390.755371,2768.613525 1396.844238,2757.357910 1404.178711,2745.490234
	C1405.157959,2744.137695 1405.831055,2744.137695 1407.518188,2744.115723
	C1410.798096,2746.241211 1413.064087,2748.388916 1415.577515,2752.969727
	C1413.690308,2758.512695 1411.499756,2761.585938 1409.432129,2764.739746
	C1404.613770,2772.089355 1397.739014,2778.196777 1394.633301,2788.038574
	C1383.620361,2801.811523 1373.750000,2814.821777 1362.824707,2828.483154
	C1359.602783,2832.676514 1357.435913,2836.218506 1355.269043,2839.760742
	C1350.835693,2839.872559 1347.458496,2838.021240 1344.565674,2833.191406
	C1344.036499,2832.095947 1344.358521,2830.442383 1344.469482,2829.611816
	C1350.758789,2820.099121 1356.937256,2811.416992 1363.630493,2801.502930
	C1371.847656,2795.061768 1375.345093,2786.721436 1380.162231,2777.847168
z"/>
<path fill="#526997" opacity="1.000000" stroke="none"
	d="
M1368.493286,2075.958252
	C1362.842163,2079.388672 1361.404053,2085.260986 1359.731323,2091.014893
	C1353.266479,2113.254395 1345.994019,2135.295410 1340.498291,2157.771240
	C1333.131104,2187.901123 1326.911987,2218.320801 1320.664307,2248.711426
	C1318.410400,2259.674561 1317.137695,2270.880859 1316.116211,2282.040039
	C1315.545288,2288.278076 1313.557007,2293.617432 1308.768311,2299.541016
	C1304.224609,2298.697754 1300.426514,2297.416504 1297.693970,2294.953125
	C1290.489746,2288.459717 1283.748413,2281.452637 1277.693481,2273.144775
	C1286.152344,2267.816895 1287.695923,2260.903564 1287.985718,2253.313965
	C1288.214111,2247.334473 1287.724854,2241.190430 1288.935791,2235.408691
	C1295.038696,2206.270996 1301.595703,2177.228516 1307.990967,2148.152100
	C1314.847656,2116.977295 1324.693115,2086.704590 1335.188721,2056.601807
	C1337.277710,2050.610107 1339.269409,2045.371338 1347.025146,2043.937012
	C1356.204712,2054.092529 1363.789307,2064.096924 1368.493286,2075.958252
z"/>
<path fill="#5F79AB" opacity="1.000000" stroke="none"
	d="
M1345.906372,2043.478760
	C1339.269409,2045.371338 1337.277710,2050.610107 1335.188721,2056.601807
	C1324.693115,2086.704590 1314.847656,2116.977295 1307.990967,2148.152100
	C1301.595703,2177.228516 1295.038696,2206.270996 1288.935791,2235.408691
	C1287.724854,2241.190430 1288.214111,2247.334473 1287.985718,2253.313965
	C1287.695923,2260.903564 1286.152344,2267.816895 1277.029297,2271.981445
	C1267.165649,2264.421387 1258.837036,2256.519531 1249.407349,2247.832031
	C1248.306396,2247.046387 1248.313354,2245.424316 1249.558350,2243.960938
	C1255.643433,2238.776367 1260.234863,2234.655518 1259.849854,2227.956299
	C1259.307861,2218.526611 1262.144165,2209.721680 1263.711548,2200.635254
	C1270.899170,2158.970703 1281.900635,2118.290039 1294.891357,2078.138916
	C1303.019775,2053.016357 1312.005127,2028.171265 1321.712769,2004.015015
	C1326.496338,2011.124390 1330.149292,2017.434570 1333.858887,2023.711304
	C1336.203735,2027.679321 1338.097778,2032.130249 1343.501343,2034.551392
	C1344.415283,2038.402344 1345.160889,2040.940552 1345.906372,2043.478760
z"/>
<path fill="#8CB0F2" opacity="1.000000" stroke="none"
	d="
M3507.901367,1747.395020
	C3528.003174,1750.324707 3545.925293,1759.500366 3563.573975,1768.491699
	C3598.149902,1786.107178 3629.613281,1808.359375 3655.754883,1837.421387
	C3693.875732,1879.800781 3715.966309,1929.043823 3720.874023,1986.211060
	C3725.971924,2045.592529 3713.184326,2100.879639 3685.995850,2153.354004
	C3684.485596,2156.269043 3683.533936,2159.473633 3680.455078,2162.274902
	C3674.699707,2159.144287 3672.823242,2155.488037 3671.631348,2150.577881
	C3665.234863,2124.222900 3658.922363,2097.811035 3651.235840,2071.816406
	C3643.739990,2046.466675 3634.401855,2021.667603 3626.276855,1996.496338
	C3616.465576,1966.102661 3603.382324,1936.988770 3589.752686,1908.293823
	C3566.677246,1859.712036 3543.429688,1811.093384 3513.323486,1766.230225
	C3509.554443,1760.613525 3507.371338,1754.345581 3507.901367,1747.395020
z"/>
<path fill="#7897D1" opacity="1.000000" stroke="none"
	d="
M3559.892578,1956.409302
	C3559.334717,1952.501587 3559.651611,1948.196167 3558.083496,1944.747559
	C3541.598389,1908.492310 3525.230469,1872.245483 3505.390381,1837.541138
	C3493.864990,1817.380737 3481.535400,1797.820801 3469.243164,1778.183472
	C3463.263184,1768.630005 3457.244385,1759.090454 3451.649658,1749.312134
	C3449.751221,1745.994263 3449.099609,1741.963257 3447.723877,1736.691284
	C3456.268799,1735.840576 3464.968262,1736.556763 3474.977539,1739.707031
	C3477.737549,1745.836304 3478.272949,1750.394165 3480.800049,1753.072632
	C3490.141602,1762.972778 3495.147949,1775.356201 3501.731934,1786.865967
	C3514.911621,1809.905396 3528.855957,1832.514648 3541.717041,1855.726807
	C3562.044434,1892.413574 3578.312988,1931.077515 3594.394043,1969.715210
	C3610.432861,2008.251709 3623.171631,2048.114746 3635.009033,2088.101318
	C3643.621338,2117.193115 3651.812256,2146.599365 3656.146240,2176.814453
	C3657.016602,2182.882568 3659.005371,2188.443848 3664.328857,2192.183838
	C3664.364746,2192.850342 3664.400879,2193.517090 3664.535645,2195.181396
	C3659.917480,2202.361328 3655.201172,2208.543945 3648.112793,2214.786865
	C3643.846191,2211.518799 3641.009277,2208.403320 3640.201172,2204.829590
	C3631.495117,2166.327393 3623.970703,2127.514893 3612.078613,2089.825928
	C3601.755127,2057.108887 3590.394043,2024.719482 3579.496582,1992.183594
	C3577.531006,1986.314819 3573.085938,1984.123657 3567.632812,1982.434326
	C3568.954102,1978.663818 3570.176514,1976.427856 3570.882324,1974.039307
	C3573.489746,1965.215576 3572.874268,1963.770264 3564.906494,1959.008423
	C3563.293457,1958.044556 3561.566895,1957.270752 3559.892578,1956.409302
z"/>
<path fill="#83A4E3" opacity="1.000000" stroke="none"
	d="
M3665.352539,2191.334473
	C3659.005371,2188.443848 3657.016602,2182.882568 3656.146240,2176.814453
	C3651.812256,2146.599365 3643.621338,2117.193115 3635.009033,2088.101318
	C3623.171631,2048.114746 3610.432861,2008.251709 3594.394043,1969.715210
	C3578.312988,1931.077515 3562.044434,1892.413574 3541.717041,1855.726807
	C3528.855957,1832.514648 3514.911621,1809.905396 3501.731934,1786.865967
	C3495.147949,1775.356201 3490.141602,1762.972778 3480.800049,1753.072632
	C3478.272949,1750.394165 3477.737549,1745.836304 3476.250488,1740.638428
	C3485.954102,1741.377075 3495.694580,1743.618652 3506.668457,1746.627563
	C3507.371338,1754.345581 3509.554443,1760.613525 3513.323486,1766.230225
	C3543.429688,1811.093384 3566.677246,1859.712036 3589.752686,1908.293823
	C3603.382324,1936.988770 3616.465576,1966.102661 3626.276855,1996.496338
	C3634.401855,2021.667603 3643.739990,2046.466675 3651.235840,2071.816406
	C3658.922363,2097.811035 3665.234863,2124.222900 3671.631348,2150.577881
	C3672.823242,2155.488037 3674.699707,2159.144287 3679.424316,2163.253906
	C3675.632324,2173.163086 3671.004150,2181.824219 3665.352539,2191.334473
z"/>
<path fill="#6D8AC1" opacity="1.000000" stroke="none"
	d="
M3567.296631,1983.899170
	C3573.085938,1984.123657 3577.531006,1986.314819 3579.496582,1992.183594
	C3590.394043,2024.719482 3601.755127,2057.108887 3612.078613,2089.825928
	C3623.970703,2127.514893 3631.495117,2166.327393 3640.201172,2204.829590
	C3641.009277,2208.403320 3643.846191,2211.518799 3647.085693,2215.584717
	C3642.626221,2223.933838 3636.822021,2231.545410 3629.948730,2239.891113
	C3624.573242,2238.436035 3620.799316,2235.562012 3620.387451,2230.397461
	C3618.543945,2207.282959 3609.547852,2185.578125 3607.425781,2162.434814
	C3606.476074,2152.072998 3602.347656,2141.960693 3599.312744,2131.839600
	C3590.198486,2101.448730 3581.270996,2070.993408 3571.516357,2040.806763
	C3567.669434,2028.902222 3561.828369,2017.641968 3556.717773,2003.545654
	C3560.125488,1995.301758 3563.711182,1989.600464 3567.296631,1983.899170
z"/>
<path fill="#03091E" opacity="1.000000" stroke="none"
	d="
M3386.601807,2632.435791
	C3390.264648,2646.569336 3386.604492,2660.176514 3382.773926,2673.477783
	C3374.173828,2703.342773 3365.732422,2733.306152 3355.542969,2762.644775
	C3346.872803,2787.609131 3335.843994,2811.754395 3325.864990,2836.264648
	C3323.121582,2843.002930 3321.015137,2850.083740 3317.567383,2856.437988
	C3300.204346,2888.438232 3284.148682,2921.171387 3264.243896,2951.764404
	C3261.089844,2956.611816 3257.751709,2960.043457 3250.064453,2958.220703
	C3248.226807,2945.667969 3248.044922,2934.838867 3248.264648,2922.440430
	C3248.274414,2916.591064 3247.882568,2912.310303 3247.782227,2906.576660
	C3247.270264,2899.337402 3246.466309,2893.551514 3245.780762,2886.062256
	C3245.197998,2877.594238 3244.496826,2870.829590 3245.222656,2863.901855
	C3252.695801,2862.707764 3255.133301,2858.006348 3257.373047,2853.139893
	C3264.521729,2837.605713 3271.108154,2821.785156 3278.896729,2806.579590
	C3293.969238,2777.151611 3302.753418,2745.358398 3314.523193,2714.693115
	C3314.757568,2714.082520 3314.971436,2713.455078 3315.108398,2712.816895
	C3316.429199,2706.661621 3312.927979,2704.489990 3308.038086,2702.958008
	C3309.751221,2700.783936 3311.063721,2699.462158 3313.708496,2697.561279
	C3322.373047,2691.645752 3329.922119,2686.572266 3336.907471,2680.815430
	C3339.057373,2679.043701 3339.667969,2675.403809 3342.337891,2672.684082
	C3350.370117,2671.052734 3354.559570,2666.825928 3357.567871,2659.777100
	C3363.506592,2654.076172 3368.298584,2648.829834 3374.492432,2643.070068
	C3376.553955,2641.811035 3377.213623,2641.065918 3378.898682,2640.154785
	C3381.274170,2638.565430 3382.623779,2637.142090 3384.322754,2634.651367
	C3385.315430,2633.201660 3385.958496,2632.818848 3386.601807,2632.435791
z"/>
<path fill="#071C4A" opacity="1.000000" stroke="none"
	d="
M3365.609375,2947.742188
	C3362.157715,2947.895020 3360.330566,2947.824463 3357.136963,2947.586914
	C3357.725586,2941.173584 3358.983887,2934.596191 3361.766113,2928.743164
	C3370.024170,2911.371826 3379.109131,2894.395020 3387.457275,2877.064453
	C3402.093262,2846.680908 3415.346680,2815.785645 3424.988770,2783.318115
	C3430.808838,2763.719238 3438.965332,2744.814453 3447.265137,2724.716797
	C3451.596680,2726.211914 3454.735352,2728.587646 3458.969482,2731.432129
	C3467.175537,2740.944580 3474.286377,2749.987793 3482.556396,2759.686035
	C3485.332764,2763.653320 3486.724609,2767.102051 3488.624268,2770.243652
	C3490.889893,2773.990723 3493.590820,2777.474854 3495.189697,2783.191895
	C3492.215576,2789.388428 3489.612061,2793.284668 3488.177246,2797.572266
	C3473.756592,2840.657715 3456.464600,2882.542236 3436.416504,2923.310791
	C3434.423340,2927.363525 3433.501953,2931.942871 3432.083008,2936.277832
	C3424.678955,2938.087402 3417.275146,2939.897217 3408.798584,2942.636719
	C3394.188965,2944.477539 3380.336182,2942.155273 3365.609375,2947.742188
z"/>
<path fill="#BAC5D9" opacity="1.000000" stroke="none"
	d="
M3247.863281,2924.009521
	C3248.044922,2934.838867 3248.226807,2945.667969 3248.635254,2958.291504
	C3248.507324,2960.852783 3248.152832,2961.619873 3246.491943,2962.053711
	C3239.128662,2957.264160 3236.625732,2956.968750 3234.112061,2960.901855
	C3230.538574,2966.492676 3227.714355,2972.607422 3223.784424,2977.916992
	C3213.926514,2991.236084 3203.252930,3003.959717 3193.584229,3017.409424
	C3173.767334,3044.975342 3151.645020,3070.504395 3127.595947,3094.419678
	C3110.109375,3111.808838 3092.719727,3129.295410 3075.253662,3146.705322
	C3071.479980,3150.466797 3067.971436,3154.670898 3063.649170,3157.676270
	C3040.223877,3173.964111 3020.179199,3194.580322 2996.085938,3210.020508
	C2985.471924,3216.822510 2975.502930,3224.625977 2964.958984,3231.545166
	C2960.170166,3234.687744 2960.012939,3238.983154 2958.285400,3244.178711
	C2945.671387,3244.619385 2934.812012,3244.581543 2924.130859,3243.142090
	C2926.656006,3234.679443 2933.359619,3232.109619 2938.808105,3228.832275
	C2965.524170,3212.760254 2991.149170,3195.206299 3015.086182,3175.212158
	C3022.697510,3168.854248 3030.116699,3162.241699 3037.993896,3156.230713
	C3065.996338,3134.862061 3091.838135,3111.120605 3116.220703,3085.751465
	C3119.896973,3081.926025 3123.494141,3078.009521 3126.906250,3073.949219
	C3138.389160,3060.286133 3149.805664,3046.566895 3161.181396,3032.814209
	C3168.347656,3024.150879 3175.456543,3015.437988 3182.468506,3006.649414
	C3185.350342,3003.037842 3187.674561,2998.969971 3190.657471,2995.453125
	C3200.089355,2984.333496 3209.183594,2973.076416 3216.189697,2960.120850
	C3221.217285,2950.824463 3227.578369,2942.239014 3233.502686,2933.442871
	C3236.928467,2928.355957 3241.074219,2924.101318 3247.863281,2924.009521
z"/>
<path fill="#C9D6E9" opacity="1.000000" stroke="none"
	d="
M3386.889648,2631.473877
	C3385.958496,2632.818848 3385.315430,2633.201660 3383.165527,2634.888184
	C3379.671875,2636.903320 3376.760254,2636.766846 3377.873047,2640.320557
	C3377.213623,2641.065918 3376.553955,2641.811035 3374.239746,2641.122559
	C3371.176025,2623.597900 3375.573486,2608.080322 3378.210449,2592.534912
	C3380.646973,2578.170654 3385.262939,2564.212158 3384.081543,2549.350098
	C3383.872559,2546.721924 3383.687256,2543.789795 3384.598389,2541.424805
	C3389.565918,2528.530762 3387.547607,2515.119629 3388.047852,2501.888672
	C3388.298584,2495.262939 3388.706543,2488.633789 3389.347168,2482.035400
	C3390.048584,2474.810547 3392.056152,2467.590088 3391.831787,2460.419922
	C3390.938965,2431.922363 3393.992676,2403.425049 3388.623535,2374.866943
	C3385.355957,2357.488037 3387.285645,2339.342285 3384.632080,2321.413086
	C3381.150879,2297.891846 3378.630615,2274.231934 3373.611328,2250.935547
	C3371.945801,2243.205566 3369.614258,2235.337891 3375.557617,2228.224121
	C3383.097168,2236.699707 3390.636719,2245.175293 3398.554199,2254.885254
	C3394.390137,2256.972656 3391.561523,2259.581055 3392.279541,2264.319580
	C3394.150879,2276.668213 3396.406738,2288.957764 3398.432861,2301.283447
	C3399.073730,2305.183105 3399.462891,2309.123535 3399.986328,2313.042969
	C3400.943604,2320.208984 3401.902100,2327.374756 3402.888916,2334.536865
	C3403.159424,2336.500000 3403.923828,2338.474854 3403.797852,2340.400879
	C3401.979004,2368.274170 3410.340332,2395.589844 3408.135986,2423.529297
	C3407.251221,2434.742188 3408.034912,2446.083252 3407.975342,2457.365723
	C3407.930176,2465.955566 3408.089600,2474.421631 3405.291016,2482.918945
	C3403.492188,2488.380859 3404.220215,2494.712158 3404.034912,2500.660645
	C3403.604248,2514.505371 3405.483643,2528.513672 3400.487549,2542.015137
	C3399.610840,2544.385010 3399.882568,2547.290039 3400.054688,2549.919678
	C3401.061279,2565.323486 3396.379150,2580.019531 3394.052002,2594.955811
	C3392.915039,2602.254639 3391.963867,2609.274170 3393.077148,2618.581299
	C3391.315674,2623.906250 3389.246338,2627.208984 3386.889648,2631.473877
z"/>
<path fill="#C9D6E9" opacity="1.000000" stroke="none"
	d="
M2960.039795,3243.699951
	C2960.012939,3238.983154 2960.170166,3234.687744 2964.958984,3231.545166
	C2975.502930,3224.625977 2985.471924,3216.822510 2996.085938,3210.020508
	C3020.179199,3194.580322 3040.223877,3173.964111 3063.649170,3157.676270
	C3067.971436,3154.670898 3071.479980,3150.466797 3075.253662,3146.705322
	C3092.719727,3129.295410 3110.109375,3111.808838 3127.595947,3094.419678
	C3151.645020,3070.504395 3173.767334,3044.975342 3193.584229,3017.409424
	C3203.252930,3003.959717 3213.926514,2991.236084 3223.784424,2977.916992
	C3227.714355,2972.607422 3230.538574,2966.492676 3234.112061,2960.901855
	C3236.625732,2956.968750 3239.128662,2957.264160 3245.979004,2963.213379
	C3246.530518,2969.024658 3246.288330,2973.343506 3245.297852,2978.800293
	C3240.223145,2980.129639 3237.492432,2982.353760 3234.947021,2985.909912
	C3224.941162,2999.889404 3214.950928,3013.914062 3204.217041,3027.331543
	C3186.472168,3049.512207 3170.145264,3072.874268 3149.480957,3092.659424
	C3134.607666,3106.899902 3120.202148,3121.633789 3105.750244,3136.307617
	C3078.274658,3164.205811 3047.857178,3188.603516 3016.412598,3211.790527
	C3009.500244,3216.887695 3002.263916,3221.573730 2995.615479,3226.988037
	C2992.674316,3229.383057 2990.827393,3233.121094 2987.507812,3238.010742
	C2985.269043,3240.238525 2984.385742,3241.095947 2983.882324,3242.344238
	C2983.217285,3242.620361 2982.552246,3242.896240 2979.918945,3243.483887
	C2977.290527,3244.031006 2976.631104,3244.266357 2974.396729,3244.215820
	C2968.561035,3243.853271 2964.300293,3243.776611 2960.039795,3243.699951
z"/>
<path fill="#22304E" opacity="1.000000" stroke="none"
	d="
M3458.551514,2580.386719
	C3462.335205,2594.414307 3457.544678,2608.585938 3455.060791,2622.571533
	C3450.374023,2648.962646 3442.759766,2674.833984 3436.171387,2702.470215
	C3434.312256,2702.944336 3432.298340,2702.176025 3431.030518,2700.745850
	C3421.795410,2690.327637 3412.626221,2679.847656 3403.614014,2669.236328
	C3399.318359,2664.177979 3399.396240,2660.397705 3403.422363,2654.880615
	C3421.389648,2630.260986 3439.392090,2605.667236 3458.551514,2580.386719
z"/>
<path fill="#22304E" opacity="1.000000" stroke="none"
	d="
M3318.513672,2948.561035
	C3320.427002,2955.892822 3318.731689,2962.234131 3314.288330,2968.653564
	C3303.523193,2984.206543 3293.835693,3000.506592 3283.760742,3016.535400
	C3280.567383,3021.615967 3277.084717,3026.282471 3269.387207,3027.860840
	C3269.874756,3012.356934 3271.722168,2996.709473 3273.662842,2981.073486
	C3274.390625,2975.211914 3275.320068,2969.374756 3276.185791,2963.530762
	C3277.290039,2956.071777 3280.265869,2952.897949 3287.590088,2952.277588
	C3293.511719,2951.776123 3299.519287,2952.210938 3305.421143,2951.587891
	C3309.300293,2951.177979 3313.059326,2949.625732 3318.513672,2948.561035
z"/>
<path fill="#0C2964" opacity="1.000000" stroke="none"
	d="
M3433.745117,2936.290771
	C3433.501953,2931.942871 3434.423340,2927.363525 3436.416504,2923.310791
	C3456.464600,2882.542236 3473.756592,2840.657715 3488.177246,2797.572266
	C3489.612061,2793.284668 3492.215576,2789.388428 3495.555176,2784.522461
	C3499.725342,2786.174316 3502.617188,2788.614746 3506.532715,2791.550781
	C3514.802979,2803.607422 3522.049316,2815.167969 3530.436523,2827.384033
	C3531.845215,2829.570312 3532.113525,2831.101562 3532.282227,2835.437500
	C3528.196289,2857.806641 3519.970459,2875.837402 3511.085938,2893.458984
	C3506.162354,2903.224121 3503.076416,2912.885986 3503.928467,2923.756836
	C3499.553223,2925.137939 3495.177979,2926.518799 3489.476074,2928.284912
	C3477.117920,2930.964600 3466.086914,2933.259521 3453.552734,2935.839844
	C3446.501953,2936.184814 3440.954590,2936.244141 3433.745117,2936.290771
z"/>
<path fill="#030715" opacity="1.000000" stroke="none"
	d="
M3375.930664,2187.995117
	C3376.958008,2195.546631 3377.861816,2203.117920 3379.060791,2210.642090
	C3379.749756,2214.966797 3379.042236,2218.245605 3371.709961,2219.354004
	C3363.843018,2214.562256 3360.480469,2207.424316 3351.784668,2205.991699
	C3346.354980,2199.785645 3341.367676,2194.802734 3335.628906,2188.813965
	C3326.747559,2186.766846 3322.872559,2179.668457 3316.343506,2174.154297
	C3306.856689,2168.368164 3298.103516,2163.731689 3288.389893,2158.039551
	C3278.400879,2153.892578 3269.372314,2150.800781 3259.197021,2146.689453
	C3245.549072,2143.284424 3233.287598,2138.990723 3218.604736,2140.545898
	C3208.322266,2140.310547 3199.490723,2138.682373 3189.671875,2143.018555
	C3181.591553,2143.199951 3175.122070,2143.268311 3167.941406,2142.073242
	C3161.670898,2132.369141 3163.560547,2124.319580 3169.599609,2115.696289
	C3178.922119,2109.902344 3187.197510,2104.892334 3193.926514,2096.059326
	C3199.867188,2090.027832 3206.746826,2086.201660 3209.493652,2077.500488
	C3214.275879,2071.008301 3217.886963,2065.272949 3222.493652,2058.438965
	C3228.720947,2048.022949 3234.412354,2038.897705 3236.532715,2026.708252
	C3239.313232,2016.945801 3241.334229,2008.436523 3243.852295,1998.429199
	C3245.312256,1988.596680 3246.275146,1980.262085 3247.653320,1970.465698
	C3248.558594,1966.019531 3249.049072,1963.035278 3250.900635,1960.089111
	C3257.303223,1959.895264 3260.474854,1963.154907 3264.153076,1965.925537
	C3267.630615,1968.545410 3271.932373,1970.070679 3275.857910,1973.682129
	C3273.886719,1984.763916 3270.835938,1994.094971 3271.386963,2005.402100
	C3267.489502,2018.794189 3263.854736,2030.694580 3261.168457,2042.805420
	C3260.404541,2046.249512 3261.781250,2050.563477 3263.230225,2054.039062
	C3272.591797,2076.497070 3282.410889,2098.765381 3291.661621,2121.268066
	C3293.503906,2125.749023 3295.377441,2129.447510 3299.763428,2131.838623
	C3311.891602,2138.451172 3323.903320,2145.277832 3337.155273,2152.605469
	C3350.876709,2164.792480 3363.403564,2176.393799 3375.930664,2187.995117
z"/>
<path fill="#1C2844" opacity="1.000000" stroke="none"
	d="
M3427.898926,2151.902100
	C3416.122070,2164.284180 3404.430908,2176.750000 3392.508301,2188.989990
	C3389.502930,2192.075439 3385.572266,2192.522461 3380.833252,2187.388916
	C3379.824707,2180.721436 3380.496094,2176.497070 3379.354980,2172.837891
	C3371.716553,2148.343750 3364.275879,2123.760498 3355.600342,2099.626709
	C3349.136963,2081.646729 3341.391602,2064.078369 3333.365723,2046.720581
	C3320.053467,2017.930786 3306.099365,1989.436646 3292.317627,1960.865479
	C3289.035889,1954.061890 3284.483887,1948.544312 3276.155273,1946.426025
	C3276.089600,1937.008423 3279.872559,1932.528687 3289.802246,1932.018066
	C3301.511475,1932.042236 3311.426270,1931.711182 3321.296143,1932.231201
	C3324.910400,1932.421631 3328.417969,1934.630615 3332.123535,1937.366211
	C3342.424561,1959.674438 3352.391846,1980.627441 3362.767334,2001.376343
	C3383.548828,2042.935303 3400.040527,2086.099121 3412.525635,2130.852783
	C3414.273438,2137.118164 3417.701904,2143.023682 3421.073730,2148.664307
	C3422.147949,2150.461182 3425.557861,2150.862305 3427.898926,2151.902100
z"/>
<path fill="#293859" opacity="1.000000" stroke="none"
	d="
M3428.532227,2150.733887
	C3425.557861,2150.862305 3422.147949,2150.461182 3421.073730,2148.664307
	C3417.701904,2143.023682 3414.273438,2137.118164 3412.525635,2130.852783
	C3400.040527,2086.099121 3383.548828,2042.935303 3362.767334,2001.376343
	C3352.391846,1980.627441 3342.424561,1959.674438 3333.955566,1937.384155
	C3346.834473,1935.982300 3358.042969,1935.716431 3369.218506,1936.206055
	C3372.846924,1936.364990 3376.389160,1938.500244 3380.113770,1941.191650
	C3390.132812,1964.360962 3400.258789,1985.960938 3409.804688,2007.814331
	C3417.486572,2025.400513 3424.738770,2043.187622 3431.684082,2061.078857
	C3438.869385,2079.590332 3445.454834,2098.334717 3452.302734,2116.977051
	C3451.001465,2124.972412 3446.679932,2131.245605 3441.133545,2136.883789
	C3437.058350,2141.026367 3433.149170,2145.332275 3428.532227,2150.733887
z"/>
<path fill="#111A31" opacity="1.000000" stroke="none"
	d="
M3276.161865,1947.861450
	C3284.483887,1948.544312 3289.035889,1954.061890 3292.317627,1960.865479
	C3306.099365,1989.436646 3320.053467,2017.930786 3333.365723,2046.720581
	C3341.391602,2064.078369 3349.136963,2081.646729 3355.600342,2099.626709
	C3364.275879,2123.760498 3371.716553,2148.343750 3379.354980,2172.837891
	C3380.496094,2176.497070 3379.824707,2180.721436 3379.995850,2186.352051
	C3379.322021,2188.016357 3378.644287,2188.012939 3376.948486,2188.002441
	C3363.403564,2176.393799 3350.876709,2164.792480 3337.163818,2151.007812
	C3335.157471,2144.302002 3334.949219,2139.558838 3333.413818,2135.293213
	C3325.776123,2114.076904 3318.500000,2092.686035 3309.728760,2071.934814
	C3300.687500,2050.545898 3290.221924,2029.748413 3279.934082,2008.911987
	C3278.765137,2006.544556 3274.720703,2005.596436 3272.009766,2003.990234
	C3270.835938,1994.094971 3273.886719,1984.763916 3275.904297,1971.953369
	C3276.030273,1961.700439 3276.095947,1954.780884 3276.161865,1947.861450
z"/>
<path fill="#BCC8DC" opacity="1.000000" stroke="none"
	d="
M3352.227051,2207.214844
	C3360.480469,2207.424316 3363.843018,2214.562256 3370.240234,2219.638184
	C3372.616211,2222.121094 3373.800537,2224.055176 3375.271484,2227.106934
	C3369.614258,2235.337891 3371.945801,2243.205566 3373.611328,2250.935547
	C3378.630615,2274.231934 3381.150879,2297.891846 3384.632080,2321.413086
	C3387.285645,2339.342285 3385.355957,2357.488037 3388.623535,2374.866943
	C3393.992676,2403.425049 3390.938965,2431.922363 3391.831787,2460.419922
	C3392.056152,2467.590088 3390.048584,2474.810547 3389.347168,2482.035400
	C3388.706543,2488.633789 3388.298584,2495.262939 3388.047852,2501.888672
	C3387.547607,2515.119629 3389.565918,2528.530762 3384.598389,2541.424805
	C3383.687256,2543.789795 3383.872559,2546.721924 3384.081543,2549.350098
	C3385.262939,2564.212158 3380.646973,2578.170654 3378.210449,2592.534912
	C3375.573486,2608.080322 3371.176025,2623.597900 3372.837891,2641.636230
	C3368.298584,2648.829834 3363.506592,2654.076172 3356.412598,2658.853271
	C3353.619141,2657.173096 3352.521973,2655.846680 3352.727539,2654.768799
	C3355.691895,2639.233887 3358.520752,2623.662109 3362.001465,2608.239014
	C3367.100586,2585.647217 3371.982178,2563.065186 3372.067139,2539.747559
	C3372.076904,2537.101318 3371.858398,2534.180420 3372.851074,2531.859375
	C3376.946289,2522.283936 3375.886719,2512.264893 3375.978760,2502.341797
	C3376.077393,2491.699219 3374.803711,2480.885986 3376.266602,2470.447021
	C3379.125732,2450.046143 3378.640381,2429.974609 3376.362549,2409.536377
	C3374.604980,2393.766113 3376.054932,2377.644287 3375.965576,2361.679199
	C3375.939697,2357.035400 3375.879150,2352.342529 3375.221924,2347.760254
	C3372.975830,2332.101807 3370.430908,2316.486816 3368.050781,2300.847168
	C3365.967285,2287.154541 3364.178711,2273.412842 3361.850342,2259.762451
	C3358.856445,2242.210205 3355.453613,2224.727539 3352.227051,2207.214844
z"/>
<path fill="#36476D" opacity="1.000000" stroke="none"
	d="
M3453.634277,2116.563965
	C3445.454834,2098.334717 3438.869385,2079.590332 3431.684082,2061.078857
	C3424.738770,2043.187622 3417.486572,2025.400513 3409.804688,2007.814331
	C3400.258789,1985.960938 3390.132812,1964.360962 3381.601074,1941.231689
	C3385.916504,1939.776855 3388.887939,1939.741821 3393.503906,1939.848389
	C3404.824463,1941.445801 3414.500488,1942.901611 3424.123535,1945.901855
	C3425.465576,1953.145142 3426.195312,1959.113281 3428.372314,1964.496216
	C3437.535645,1987.151978 3447.268799,2009.576416 3456.510986,2032.201050
	C3461.255859,2043.816772 3465.234375,2055.744141 3469.893555,2067.396973
	C3472.364746,2073.577148 3475.181396,2079.879883 3483.771240,2079.906250
	C3484.004639,2079.980957 3484.467041,2080.142578 3484.467041,2080.142578
	C3477.224365,2094.268311 3466.765869,2105.759277 3453.634277,2116.563965
z"/>
<path fill="#293859" opacity="1.000000" stroke="none"
	d="
M3446.781738,2152.591309
	C3452.809326,2160.740967 3455.328613,2169.993896 3457.033203,2180.005127
	C3460.234863,2198.809814 3465.962646,2217.168213 3469.831787,2235.879395
	C3473.693359,2254.556641 3477.026855,2273.375244 3479.628662,2292.264404
	C3480.591064,2299.254883 3478.811279,2306.623535 3477.096680,2314.924316
	C3466.016113,2301.274658 3456.227051,2286.447510 3446.194336,2271.787354
	C3437.257080,2258.727539 3428.447021,2245.545898 3418.780518,2233.036133
	C3414.496338,2227.491943 3411.836182,2222.250000 3411.801514,2215.173828
	C3411.776123,2209.996826 3410.199951,2204.827148 3409.236816,2199.198242
	C3414.278320,2188.770996 3422.051514,2179.906006 3430.414795,2171.356934
	C3435.913086,2165.736816 3440.560791,2159.284668 3446.781738,2152.591309
z"/>
<path fill="#0D3075" opacity="1.000000" stroke="none"
	d="
M3567.632812,1982.434448
	C3563.711182,1989.600464 3560.125488,1995.301758 3556.122559,2002.211670
	C3549.204834,2013.350586 3542.704834,2023.281128 3535.923828,2034.578125
	C3530.529053,2043.061157 3525.414795,2050.177734 3520.048828,2058.624756
	C3510.795410,2066.400635 3506.759277,2076.510498 3500.472900,2086.585938
	C3499.178955,2087.789062 3498.449951,2087.783203 3496.627441,2087.668945
	C3495.687012,2081.748779 3492.245605,2079.972168 3485.798584,2080.108887
	C3484.467041,2080.142578 3484.004639,2079.980957 3484.438721,2078.732422
	C3488.315186,2073.858643 3491.696045,2070.172607 3495.216553,2066.625000
	C3498.981201,2062.831543 3500.564453,2058.283936 3501.673340,2052.529541
	C3513.816406,2041.771362 3521.382080,2029.246582 3528.444580,2014.730225
	C3539.068604,2004.442993 3544.230469,1992.045898 3551.221436,1980.939819
	C3554.642334,1975.505127 3552.295898,1969.825317 3546.521973,1968.495972
	C3531.163330,1964.959961 3516.146973,1959.579346 3499.109863,1958.433105
	C3492.455811,1954.311401 3484.716064,1958.183716 3479.978027,1950.573975
	C3479.974365,1946.142822 3479.961426,1943.190308 3479.948242,1940.238037
	C3481.767090,1940.151611 3483.585938,1940.065186 3486.765625,1939.837891
	C3499.068848,1942.426636 3510.011230,1945.156128 3522.519043,1947.797852
	C3534.971436,1950.625000 3545.858398,1953.539795 3558.319092,1956.431885
	C3561.566895,1957.270752 3563.293457,1958.044556 3564.906494,1959.008423
	C3572.874268,1963.770264 3573.489746,1965.215576 3570.882324,1974.039307
	C3570.176514,1976.427856 3568.954102,1978.663818 3567.632812,1982.434448
z"/>
<path fill="#8CB0F2" opacity="1.000000" stroke="none"
	d="
M3684.219482,2711.888184
	C3704.227295,2749.142578 3715.262207,2788.981934 3720.887207,2830.841309
	C3726.055176,2869.300781 3721.316650,2906.253418 3708.985107,2942.514893
	C3698.166260,2974.327881 3680.711670,3002.303223 3659.028076,3027.964844
	C3620.953857,3073.023193 3572.211426,3101.258789 3517.171631,3119.949951
	C3515.301025,3120.585449 3513.271484,3120.753174 3509.720215,3119.753906
	C3508.774658,3115.155762 3508.564453,3111.395264 3510.207031,3108.813721
	C3528.022949,3080.814941 3545.004395,3052.359131 3559.638428,3022.537598
	C3570.440918,3000.523682 3581.900879,2978.819092 3592.196289,2956.573730
	C3600.838135,2937.901123 3608.312500,2918.683350 3616.142334,2899.640625
	C3633.848877,2856.576416 3647.886475,2812.282959 3660.042236,2767.376221
	C3664.867676,2749.549316 3669.401367,2731.643799 3674.192871,2713.293701
	C3677.772949,2712.791992 3680.996094,2712.340088 3684.219482,2711.888184
z"/>
<path fill="#7998D3" opacity="1.000000" stroke="none"
	d="
M3453.160400,3133.107666
	C3451.552979,3125.440674 3454.098877,3118.702393 3458.110840,3112.406738
	C3472.718506,3089.485352 3488.593262,3067.245605 3501.479736,3043.392334
	C3512.165771,3023.612305 3523.648193,3004.234863 3533.298096,2983.749756
	C3544.030762,2960.966309 3553.866943,2937.873535 3565.000000,2912.452393
	C3574.111572,2905.838867 3572.456787,2898.899170 3571.301514,2892.097168
	C3581.353760,2884.821777 3581.888184,2872.466553 3586.102051,2862.402100
	C3593.737305,2844.168213 3599.078125,2824.958252 3605.098389,2806.067383
	C3617.948730,2765.744385 3629.279053,2725.029053 3636.191895,2683.194092
	C3637.481445,2675.391846 3638.938232,2667.596924 3640.836670,2659.927246
	C3641.418701,2657.576904 3643.729736,2655.655029 3646.558594,2652.823486
	C3653.292725,2659.963135 3658.717285,2667.816162 3663.782959,2678.514160
	C3659.684326,2688.414307 3656.359375,2695.480469 3655.253906,2703.655273
	C3654.108398,2712.126709 3651.846436,2720.478760 3649.649170,2728.770752
	C3642.882324,2754.308350 3637.519287,2780.222656 3628.495605,2805.157959
	C3624.011719,2817.548584 3621.007080,2830.480957 3616.397705,2842.818604
	C3605.489746,2872.016846 3594.972412,2901.303711 3581.948975,2929.771240
	C3572.063477,2951.378906 3562.560547,2973.237549 3552.410156,2994.758057
	C3548.180176,3003.726807 3542.178955,3011.847412 3537.724609,3020.725342
	C3522.818848,3050.434082 3506.604736,3079.357666 3487.496094,3106.589355
	C3482.791992,3113.293213 3479.412354,3120.323975 3479.819824,3128.735596
	C3472.071533,3133.487549 3463.280762,3132.430664 3453.160400,3133.107666
z"/>
<path fill="#83A4E3" opacity="1.000000" stroke="none"
	d="
M3481.374512,3128.672852
	C3479.412354,3120.323975 3482.791992,3113.293213 3487.496094,3106.589355
	C3506.604736,3079.357666 3522.818848,3050.434082 3537.724609,3020.725342
	C3542.178955,3011.847412 3548.180176,3003.726807 3552.410156,2994.758057
	C3562.560547,2973.237549 3572.063477,2951.378906 3581.948975,2929.771240
	C3594.972412,2901.303711 3605.489746,2872.016846 3616.397705,2842.818604
	C3621.007080,2830.480957 3624.011719,2817.548584 3628.495605,2805.157959
	C3637.519287,2780.222656 3642.882324,2754.308350 3649.649170,2728.770752
	C3651.846436,2720.478760 3654.108398,2712.126709 3655.253906,2703.655273
	C3656.359375,2695.480469 3659.684326,2688.414307 3663.998047,2679.815918
	C3671.016113,2688.552734 3677.459961,2698.833008 3684.061523,2710.500732
	C3680.996094,2712.340088 3677.772949,2712.791992 3674.192871,2713.293701
	C3669.401367,2731.643799 3664.867676,2749.549316 3660.042236,2767.376221
	C3647.886475,2812.282959 3633.848877,2856.576416 3616.142334,2899.640625
	C3608.312500,2918.683350 3600.838135,2937.901123 3592.196289,2956.573730
	C3581.900879,2978.819092 3570.440918,3000.523682 3559.638428,3022.537598
	C3545.004395,3052.359131 3528.022949,3080.814941 3510.207031,3108.813721
	C3508.564453,3111.395264 3508.774658,3115.155762 3508.159668,3120.008789
	C3499.773193,3123.968994 3491.351074,3126.289551 3481.374512,3128.672852
z"/>
<path fill="#0D327C" opacity="1.000000" stroke="none"
	d="
M3570.272949,2891.301514
	C3572.456787,2898.899170 3574.111572,2905.838867 3565.117920,2910.970215
	C3552.952637,2914.341553 3541.989502,2916.918945 3529.554199,2919.911133
	C3521.058594,2921.519043 3514.035889,2922.711670 3505.470703,2923.830811
	C3503.076416,2912.885986 3506.162354,2903.224121 3511.085938,2893.458984
	C3519.970459,2875.837402 3528.196289,2857.806641 3532.396973,2836.597656
	C3539.472900,2844.391113 3546.334961,2853.829102 3554.284668,2864.062012
	C3559.996582,2873.406250 3564.620361,2881.956055 3570.272949,2891.301514
z"/>
<path fill="#8CB0F2" opacity="1.000000" stroke="none"
	d="
M3123.843262,1358.515137
	C3116.506348,1360.402466 3110.181152,1358.597656 3103.476562,1354.445190
	C3083.227051,1341.903442 3062.241455,1330.546143 3041.491699,1318.817871
	C3029.384033,1311.974487 3017.567139,1304.447632 3004.942627,1298.720093
	C2969.975342,1282.855591 2934.871094,1267.245605 2899.395264,1252.563843
	C2874.948730,1242.446655 2850.121582,1232.984619 2824.869629,1225.146729
	C2794.603027,1215.752075 2763.735840,1208.271606 2733.051270,1200.259399
	C2726.596924,1198.574097 2719.874512,1198.053589 2716.275391,1189.651367
	C2770.620850,1160.205811 2828.462891,1146.941406 2889.742188,1152.335815
	C2944.515381,1157.157593 2992.542725,1178.824707 3033.604492,1215.375977
	C3077.011230,1254.014771 3105.477783,1302.314331 3123.843262,1358.515137
z"/>
<path fill="#6D8AC1" opacity="1.000000" stroke="none"
	d="
M2925.773193,1343.960449
	C2921.413086,1334.331299 2918.608398,1324.716187 2915.847656,1313.566284
	C2924.076416,1311.261475 2931.423340,1313.511475 2938.729004,1317.230225
	C2968.166748,1332.215332 2998.138428,1346.189819 3027.217529,1361.830688
	C3056.861816,1377.775391 3086.114502,1394.498413 3113.503174,1414.303467
	C3120.156250,1419.114258 3126.723633,1426.007568 3138.093994,1423.934082
	C3143.571533,1434.486572 3144.162354,1445.510742 3143.760742,1458.352661
	C3139.255859,1458.828247 3134.407471,1458.418823 3130.614990,1456.202759
	C3122.026367,1451.184082 3113.960693,1445.271240 3105.678223,1439.728027
	C3078.614502,1421.614868 3051.049072,1404.320679 3022.252930,1389.067139
	C2997.564453,1375.989380 2972.811035,1363.034790 2948.080322,1350.037231
	C2941.576172,1346.618896 2935.076904,1343.150024 2925.773193,1343.960449
z"/>
<path fill="#03091E" opacity="1.000000" stroke="none"
	d="
M2643.520020,1493.214600
	C2647.763428,1483.956299 2648.888916,1482.882568 2656.028809,1484.762817
	C2677.730713,1490.477661 2699.581787,1495.780640 2720.943115,1502.596436
	C2749.924072,1511.843506 2778.506836,1522.339233 2807.254639,1532.316162
	C2809.127441,1532.966309 2810.999023,1533.657104 2812.789307,1534.502808
	C2839.742188,1547.235229 2867.104492,1559.187988 2893.495605,1572.996460
	C2916.313965,1584.935669 2938.102539,1598.864258 2960.139404,1612.254150
	C2963.238770,1614.137573 2965.159180,1617.961426 2965.909668,1622.430420
	C2947.024170,1623.985718 2929.843506,1623.650146 2912.689209,1624.176636
	C2905.570068,1624.395264 2898.507080,1626.455444 2889.870117,1627.573486
	C2884.198486,1627.591553 2880.075439,1627.714233 2875.812744,1626.442017
	C2873.592041,1617.170044 2867.354736,1613.476440 2860.658936,1610.393066
	C2846.298828,1603.781006 2831.925293,1597.193115 2817.467041,1590.799927
	C2789.767334,1578.552002 2762.035645,1566.413818 2733.264160,1556.755493
	C2721.750977,1552.890381 2710.316406,1550.947144 2697.345215,1551.982666
	C2692.896973,1547.439331 2689.400635,1543.509399 2685.304688,1538.326660
	C2677.881348,1529.918091 2671.057617,1522.762573 2663.738281,1514.410156
	C2656.668213,1506.547119 2650.094238,1499.880859 2643.520020,1493.214600
z"/>
<path fill="#BCC8DC" opacity="1.000000" stroke="none"
	d="
M2642.596191,1493.049072
	C2650.094238,1499.880859 2656.668213,1506.547119 2662.718262,1515.598145
	C2658.328369,1518.573608 2654.230225,1520.302246 2650.634277,1519.568970
	C2627.941895,1514.942505 2605.306641,1510.197876 2582.389404,1506.608887
	C2562.749268,1503.533203 2543.395752,1498.852661 2523.296875,1499.927002
	C2518.661621,1500.174683 2513.589111,1500.776978 2509.402832,1499.289062
	C2497.046387,1494.897583 2484.403076,1496.094482 2471.817383,1496.036011
	C2443.822266,1495.906250 2415.826172,1495.962158 2387.830322,1496.031250
	C2382.511230,1496.044434 2376.746826,1495.232666 2371.967773,1496.959839
	C2362.183350,1500.496094 2352.256104,1499.354248 2342.358398,1500.125488
	C2332.489014,1500.894531 2322.698242,1502.668823 2312.870605,1503.986328
	C2306.980713,1504.775879 2301.039307,1505.278320 2295.203125,1506.354614
	C2278.282227,1509.474976 2261.402588,1512.817139 2244.507812,1516.078857
	C2238.021729,1517.330933 2231.581055,1518.932983 2225.041992,1519.761597
	C2219.381104,1520.478882 2216.560547,1517.017944 2216.162842,1510.423828
	C2217.413086,1507.828125 2218.335693,1506.453125 2219.258301,1505.078369
	C2223.798828,1501.862305 2228.339600,1498.646118 2234.993164,1496.323730
	C2242.533447,1501.225830 2248.328857,1499.842041 2254.288818,1498.718750
	C2273.747314,1495.051270 2293.243652,1491.581299 2312.744141,1488.142700
	C2321.199463,1486.651611 2329.657959,1484.843628 2338.191406,1484.208496
	C2351.367676,1483.227783 2364.745361,1485.333252 2377.687012,1480.587402
	C2380.419922,1479.585205 2384.122803,1481.444702 2387.399414,1481.647461
	C2390.604248,1481.845703 2393.845459,1481.757812 2397.052979,1481.536255
	C2402.990234,1481.125732 2408.937256,1479.895874 2414.840576,1480.109497
	C2447.962158,1481.308472 2481.170654,1477.363770 2514.270264,1483.544800
	C2527.748047,1486.061523 2541.843750,1485.547119 2555.700439,1487.203491
	C2574.766602,1489.482544 2593.666016,1492.248657 2612.479004,1495.909302
	C2618.959717,1497.170532 2625.386963,1498.787964 2631.914795,1499.696655
	C2636.741455,1500.368652 2639.151611,1497.311768 2639.801270,1492.738892
	C2639.801270,1492.738892 2641.672607,1492.883545 2642.596191,1493.049072
z"/>
<path fill="#C9D6E9" opacity="1.000000" stroke="none"
	d="
M3242.989502,1887.896240
	C3245.521484,1888.757935 3246.217529,1889.760864 3246.905762,1892.684448
	C3247.305176,1894.322876 3248.058594,1896.121948 3247.653564,1896.442627
	C3246.911621,1897.934937 3247.249512,1898.783569 3248.015869,1900.963989
	C3247.673584,1907.064087 3247.578125,1911.509033 3246.060059,1915.924561
	C3239.037354,1916.325439 3236.605713,1912.430054 3233.904785,1908.462891
	C3217.494141,1884.360962 3200.051514,1861.064331 3181.691650,1838.366821
	C3168.345947,1821.867920 3155.559082,1805.029907 3140.301025,1790.160400
	C3120.284424,1770.653442 3100.395508,1750.995239 3081.032471,1730.843872
	C3061.168213,1710.170776 3037.881836,1693.680542 3015.601807,1675.990967
	C2999.018799,1662.824585 2981.412842,1650.943359 2964.211426,1638.560913
	C2960.460693,1635.860840 2955.951660,1633.890015 2957.817871,1628.156006
	C2966.528809,1627.923340 2973.494629,1627.738770 2980.460693,1627.554199
	C2982.190186,1627.625122 2983.919922,1627.696045 2986.853027,1628.259521
	C2988.024902,1633.496460 2988.716064,1637.385010 2993.259277,1640.697998
	C3015.121826,1656.639160 3036.647217,1673.042847 3058.292236,1689.282471
	C3059.351562,1690.077393 3060.507812,1690.772217 3061.455322,1691.683594
	C3090.566406,1719.679688 3122.005127,1745.263550 3149.105957,1775.322876
	C3160.573242,1788.041504 3170.904541,1801.783691 3181.774902,1815.041992
	C3195.166016,1831.375854 3208.696045,1847.597778 3221.910156,1864.073242
	C3225.601074,1868.675171 3228.644531,1873.859741 3231.511719,1879.038818
	C3233.865479,1883.290039 3236.412842,1886.910889 3242.989502,1887.896240
z"/>
<path fill="#C9D6E9" opacity="1.000000" stroke="none"
	d="
M2639.067383,1491.623169
	C2639.151611,1497.311768 2636.741455,1500.368652 2631.914795,1499.696655
	C2625.386963,1498.787964 2618.959717,1497.170532 2612.479004,1495.909302
	C2593.666016,1492.248657 2574.766602,1489.482544 2555.700439,1487.203491
	C2541.843750,1485.547119 2527.748047,1486.061523 2514.270264,1483.544800
	C2481.170654,1477.363770 2447.962158,1481.308472 2414.840576,1480.109497
	C2408.937256,1479.895874 2402.990234,1481.125732 2397.052979,1481.536255
	C2393.845459,1481.757812 2390.604248,1481.845703 2387.399414,1481.647461
	C2384.122803,1481.444702 2380.419922,1479.585205 2377.687012,1480.587402
	C2364.745361,1485.333252 2351.367676,1483.227783 2338.191406,1484.208496
	C2329.657959,1484.843628 2321.199463,1486.651611 2312.744141,1488.142700
	C2293.243652,1491.581299 2273.747314,1495.051270 2254.288818,1498.718750
	C2248.328857,1499.842041 2242.533447,1501.225830 2236.133789,1495.889893
	C2242.375732,1488.231812 2249.589111,1481.901489 2258.061768,1475.116211
	C2263.164551,1481.117798 2269.346680,1480.508057 2275.229736,1479.384888
	C2294.671875,1475.673340 2314.509033,1474.685425 2333.912109,1471.439453
	C2352.425781,1468.342285 2370.772217,1468.349365 2389.264648,1467.884277
	C2392.530273,1467.802246 2395.871338,1467.203369 2399.011230,1466.278564
	C2410.125977,1463.005249 2421.224365,1462.811401 2432.293945,1466.153564
	C2440.161377,1468.529175 2447.976318,1468.888672 2455.711670,1466.054443
	C2462.928223,1463.410278 2469.842529,1463.862183 2477.097412,1466.206543
	C2481.405762,1467.598755 2486.203125,1467.802124 2490.797363,1467.927246
	C2507.303467,1468.377808 2523.647949,1468.379883 2540.203857,1471.194214
	C2553.019287,1473.372681 2566.399902,1473.739380 2579.414307,1475.988281
	C2583.951172,1476.772339 2588.631104,1477.130127 2592.979248,1478.517456
	C2601.112793,1481.112671 2608.664307,1479.816528 2617.673828,1476.286621
	C2625.583984,1480.934692 2631.958496,1485.721069 2639.067383,1491.623169
z"/>
<path fill="#293859" opacity="1.000000" stroke="none"
	d="
M2719.409668,1422.942017
	C2718.997070,1426.160522 2717.918945,1428.057129 2716.404541,1430.959229
	C2711.376221,1435.606812 2706.784180,1439.249146 2699.506592,1443.244629
	C2676.266846,1438.569946 2655.810059,1433.082153 2635.120117,1428.693848
	C2623.542969,1426.238403 2611.578857,1425.606445 2599.789062,1424.152832
	C2596.646729,1423.077271 2593.504639,1422.001465 2589.190186,1420.459473
	C2584.684082,1417.067993 2581.636963,1413.704590 2577.962402,1411.299805
	C2567.126221,1404.208008 2556.041504,1397.495728 2544.357422,1389.462891
	C2566.935547,1386.647583 2589.449707,1392.042236 2612.291992,1395.030884
	C2641.146484,1398.806152 2669.050049,1406.626831 2697.411865,1412.426636
	C2704.798584,1413.937012 2713.477295,1414.362549 2719.409668,1422.942017
z"/>
<path fill="#2D3C5E" opacity="1.000000" stroke="none"
	d="
M2951.852051,1529.652832
	C2951.840576,1525.051025 2951.918945,1522.020874 2952.055176,1517.476074
	C2957.933350,1518.869019 2963.919434,1521.489014 2969.546631,1524.731445
	C3004.471924,1544.855591 3038.264160,1566.686890 3069.914551,1591.734009
	C3077.155762,1597.464478 3084.908203,1602.567871 3091.940918,1608.531250
	C3094.109619,1610.370361 3094.671875,1614.103882 3096.002930,1618.404053
	C3091.508301,1619.478516 3086.814209,1619.758911 3082.485352,1618.633179
	C3071.809570,1615.857056 3061.301514,1612.435791 3049.222168,1607.274902
	C3045.217041,1597.164429 3038.910889,1592.443115 3032.239502,1588.139038
	C3011.833252,1574.974243 2991.157715,1562.209961 2971.069336,1548.579346
	C2965.041016,1544.489014 2959.000244,1544.009399 2952.444824,1543.817383
	C2952.277344,1539.619751 2952.109863,1535.422119 2951.852051,1529.652832
z"/>
<path fill="#22304E" opacity="1.000000" stroke="none"
	d="
M2952.303223,1545.533203
	C2959.000244,1544.009399 2965.041016,1544.489014 2971.069336,1548.579346
	C2991.157715,1562.209961 3011.833252,1574.974243 3032.239502,1588.139038
	C3038.910889,1592.443115 3045.217041,1597.164429 3047.838867,1606.675293
	C3036.881348,1606.700439 3025.764648,1605.577881 3014.733154,1603.895752
	C2995.969238,1601.034668 2977.258545,1597.821045 2957.962402,1594.663452
	C2955.961914,1578.312256 2954.061768,1562.780518 2952.303223,1545.533203
z"/>
<path fill="#22304E" opacity="1.000000" stroke="none"
	d="
M2600.438721,1425.330933
	C2611.578857,1425.606445 2623.542969,1426.238403 2635.120117,1428.693848
	C2655.810059,1433.082153 2676.266846,1438.569946 2698.358887,1443.768799
	C2693.000977,1455.863281 2679.909424,1460.877197 2670.466553,1470.029175
	C2666.609619,1473.767456 2660.420898,1472.467041 2655.662354,1469.036743
	C2645.494385,1461.707031 2635.132324,1454.627075 2625.230713,1446.953247
	C2616.903564,1440.499634 2609.115234,1433.350342 2600.438721,1425.330933
z"/>
<path fill="#8D98AB" opacity="1.000000" stroke="none"
	d="
M2979.336670,1626.857300
	C2973.494629,1627.738770 2966.528809,1627.923340 2956.062744,1627.986816
	C2944.341797,1627.862183 2936.121094,1627.858521 2926.171875,1627.841064
	C2916.437988,1628.167480 2908.432129,1628.507690 2898.923096,1628.665894
	C2895.419434,1628.215332 2893.418945,1627.946777 2891.418701,1627.678223
	C2898.507080,1626.455444 2905.570068,1624.395264 2912.689209,1624.176636
	C2929.843506,1623.650146 2947.024170,1623.985718 2966.051758,1623.804932
	C2971.343506,1624.477661 2974.778076,1625.319092 2979.336670,1626.857300
z"/>
<path fill="#36476D" opacity="1.000000" stroke="none"
	d="
M3067.411865,1641.246582
	C3066.011719,1641.880737 3063.873779,1641.626709 3060.852539,1640.690430
	C3062.204102,1640.124756 3064.439209,1640.241455 3067.411865,1641.246582
z"/>
<path fill="#334467" opacity="1.000000" stroke="none"
	d="
M3051.373535,1637.775513
	C3049.866211,1638.454956 3047.582520,1638.180664 3044.394043,1637.132812
	C3045.858887,1636.513306 3048.227783,1636.667480 3051.373535,1637.775513
z"/>
<path fill="#334467" opacity="1.000000" stroke="none"
	d="
M3087.408203,1645.715942
	C3085.913330,1646.368164 3083.673828,1646.067261 3080.556641,1644.990723
	C3082.007324,1644.397583 3084.335449,1644.580200 3087.408203,1645.715942
z"/>
<path fill="#0A204E" opacity="1.000000" stroke="none"
	d="
M3103.128906,1649.112671
	C3103.716797,1649.678589 3102.071533,1650.249146 3102.071533,1650.249146
	C3102.071533,1650.249146 3100.447754,1649.619263 3099.900879,1648.937500
	C3100.457764,1647.899780 3101.520020,1647.996704 3103.128906,1649.112671
z"/>
<path fill="#09183A" opacity="1.000000" stroke="none"
	d="
M3391.859375,1939.706787
	C3388.887939,1939.741821 3385.916504,1939.776855 3381.458008,1939.771729
	C3376.389160,1938.500244 3372.846924,1936.364990 3369.218506,1936.206055
	C3358.042969,1935.716431 3346.834473,1935.982300 3333.806641,1935.936523
	C3328.417969,1934.630615 3324.910400,1932.421631 3321.296143,1932.231201
	C3311.426270,1931.711182 3301.511475,1932.042236 3289.808594,1930.441284
	C3287.956543,1924.657593 3287.910156,1920.468872 3289.553223,1916.202148
	C3304.816162,1917.835571 3318.198975,1921.655273 3332.093506,1919.828125
	C3344.333008,1921.169312 3356.572266,1922.510498 3370.491943,1923.698242
	C3377.606934,1923.840820 3383.041504,1924.136597 3390.183594,1926.081055
	C3391.880127,1931.722168 3391.869873,1935.714478 3391.859375,1939.706787
z"/>
<path fill="#0A255B" opacity="1.000000" stroke="none"
	d="
M3393.503906,1939.848389
	C3391.869873,1935.714478 3391.880127,1931.722168 3391.809570,1926.252197
	C3398.815674,1925.834473 3405.902832,1926.894165 3414.556152,1927.862549
	C3426.927734,1929.288452 3437.733398,1930.805664 3450.215820,1932.309082
	C3460.348389,1934.540527 3468.804199,1936.785767 3478.604004,1939.634521
	C3479.961426,1943.190308 3479.974365,1946.142822 3478.321533,1950.592773
	C3471.137939,1951.878418 3465.620605,1951.666504 3458.973145,1950.428833
	C3446.621094,1947.721313 3435.398926,1946.039429 3424.176758,1944.357422
	C3414.500488,1942.901611 3404.824463,1941.445801 3393.503906,1939.848389
z"/>
<path fill="#22304E" opacity="1.000000" stroke="none"
	d="
M3332.040039,1918.347656
	C3318.198975,1921.655273 3304.816162,1917.835571 3288.082520,1916.098389
	C3276.764648,1914.082886 3276.764648,1914.082886 3275.853271,1904.078003
	C3277.309814,1887.591797 3272.126709,1871.920166 3269.826416,1855.903931
	C3268.260986,1845.005127 3265.926270,1834.216797 3263.930664,1821.715454
	C3273.214111,1820.295776 3278.138428,1827.129272 3282.456787,1833.616943
	C3297.877930,1856.784546 3312.874023,1880.239990 3327.676758,1903.808960
	C3330.043701,1907.577393 3330.595703,1912.485840 3332.040039,1918.347656
z"/>
<path fill="#070E22" opacity="1.000000" stroke="none"
	d="
M3274.495117,1903.915527
	C3276.764648,1914.082886 3276.764648,1914.082886 3286.393066,1916.176270
	C3287.910156,1920.468872 3287.956543,1924.657593 3287.996582,1930.423218
	C3279.872559,1932.528687 3276.089600,1937.008423 3276.155273,1946.426025
	C3276.095947,1954.780884 3276.030273,1961.700439 3275.917969,1970.348633
	C3271.932373,1970.070679 3267.630615,1968.545410 3264.153076,1965.925537
	C3260.474854,1963.154907 3257.303223,1959.895264 3250.574219,1958.600098
	C3248.610107,1954.051147 3248.334229,1951.029297 3248.483398,1946.265137
	C3248.433105,1934.999878 3247.957520,1925.476929 3247.482422,1915.954102
	C3247.578125,1911.509033 3247.673584,1907.064087 3248.052246,1900.161621
	C3248.335205,1897.704346 3248.058594,1896.121948 3248.058594,1896.121948
	C3248.058594,1896.121948 3247.305176,1894.322876 3247.533203,1893.374756
	C3249.922852,1889.218750 3252.671143,1887.981323 3256.031982,1890.501221
	C3261.801758,1894.827515 3267.442139,1899.326416 3274.495117,1903.915527
z"/>
<path fill="#8CB0F2" opacity="1.000000" stroke="none"
	d="
M3125.494629,3504.150635
	C3122.243164,3521.358398 3114.675781,3537.021484 3107.494141,3552.729248
	C3093.267334,3583.847656 3074.572754,3612.280029 3051.470947,3637.431396
	C3016.751465,3675.231445 2974.235352,3700.385986 2923.905518,3711.526367
	C2888.348877,3719.396729 2852.571777,3718.592529 2816.680664,3713.520264
	C2780.716797,3708.437744 2746.983887,3696.681641 2713.634277,3678.559570
	C2715.436768,3670.980225 2720.604980,3669.482910 2725.758057,3668.289062
	C2763.099854,3659.639404 2799.861572,3649.195801 2836.253174,3636.974609
	C2865.703613,3627.084229 2894.962891,3617.014160 2923.333008,3604.350830
	C2942.594482,3595.752686 2962.315918,3588.131104 2981.282959,3578.939697
	C3005.134521,3567.380615 3028.597412,3554.981201 3051.908203,3542.354004
	C3072.857178,3531.006348 3093.307373,3518.741211 3114.148438,3507.188232
	C3117.470947,3505.346680 3121.689941,3505.122559 3125.494629,3504.150635
z"/>
<path fill="#7897D1" opacity="1.000000" stroke="none"
	d="
M2663.018066,3651.480469
	C2660.283936,3649.388672 2658.755127,3647.632324 2657.372070,3643.569336
	C2660.912354,3639.501221 2664.124512,3636.953857 2667.733887,3636.114502
	C2684.352295,3632.251465 2701.221680,3629.412109 2717.738281,3625.180420
	C2743.235596,3618.647705 2768.703125,3611.876709 2793.843750,3604.108398
	C2822.785156,3595.166016 2851.364990,3585.052979 2880.082520,3575.391113
	C2885.927490,3573.424561 2887.926270,3568.762695 2889.579102,3563.421631
	C2892.807617,3564.611328 2894.546875,3565.510254 2896.369385,3566.182129
	C2906.998291,3570.098145 2907.433350,3569.938965 2917.059570,3559.765625
	C2930.203369,3554.844238 2942.110596,3550.556396 2953.457031,3545.102783
	C2994.841064,3525.211670 3035.822510,3504.500732 3074.922852,3480.342285
	C3090.139648,3470.940186 3104.572266,3460.269287 3119.780273,3450.851562
	C3126.390137,3446.758301 3131.810547,3439.957031 3140.643799,3440.031738
	C3140.060547,3448.145996 3139.477295,3456.260254 3138.511230,3466.086914
	C3137.148926,3468.554199 3136.421143,3469.501953 3134.076660,3471.393555
	C3128.614014,3473.586182 3124.692627,3474.515381 3121.480225,3476.559082
	C3106.953369,3485.800049 3092.983398,3495.964844 3078.146484,3504.658936
	C3054.715088,3518.389404 3030.828857,3531.353516 3006.973389,3544.344971
	C2997.067627,3549.739502 2986.876221,3554.659912 2976.584229,3559.283447
	C2958.468018,3567.422119 2940.180664,3575.181152 2921.953857,3583.073730
	C2909.187256,3588.602051 2896.733643,3595.100586 2883.565918,3599.411377
	C2834.506348,3615.472412 2786.153076,3633.900146 2735.491943,3644.748779
	C2723.881348,3647.234863 2712.263428,3649.711670 2700.730713,3652.526855
	C2693.161621,3654.374756 2686.790771,3657.710938 2688.138672,3667.353516
	C2687.478027,3667.466064 2686.817139,3667.578369 2685.152100,3667.637207
	C2677.506836,3662.327881 2670.865234,3657.072021 2663.018066,3651.480469
z"/>
<path fill="#83A4E3" opacity="1.000000" stroke="none"
	d="
M2689.453125,3667.732178
	C2686.790771,3657.710938 2693.161621,3654.374756 2700.730713,3652.526855
	C2712.263428,3649.711670 2723.881348,3647.234863 2735.491943,3644.748779
	C2786.153076,3633.900146 2834.506348,3615.472412 2883.565918,3599.411377
	C2896.733643,3595.100586 2909.187256,3588.602051 2921.953857,3583.073730
	C2940.180664,3575.181152 2958.468018,3567.422119 2976.584229,3559.283447
	C2986.876221,3554.659912 2997.067627,3549.739502 3006.973389,3544.344971
	C3030.828857,3531.353516 3054.715088,3518.389404 3078.146484,3504.658936
	C3092.983398,3495.964844 3106.953369,3485.800049 3121.480225,3476.559082
	C3124.692627,3474.515381 3128.614014,3473.586182 3133.598633,3472.171143
	C3132.376709,3482.145020 3129.764893,3492.091553 3126.323975,3503.094238
	C3121.689941,3505.122559 3117.470947,3505.346680 3114.148438,3507.188232
	C3093.307373,3518.741211 3072.857178,3531.006348 3051.908203,3542.354004
	C3028.597412,3554.981201 3005.134521,3567.380615 2981.282959,3578.939697
	C2962.315918,3588.131104 2942.594482,3595.752686 2923.333008,3604.350830
	C2894.962891,3617.014160 2865.703613,3627.084229 2836.253174,3636.974609
	C2799.861572,3649.195801 2763.099854,3659.639404 2725.758057,3668.289062
	C2720.604980,3669.482910 2715.436768,3670.980225 2712.481445,3677.673828
	C2705.069092,3675.391357 2697.918457,3671.751221 2689.453125,3667.732178
z"/>
<path fill="#5F79AB" opacity="1.000000" stroke="none"
	d="
M2932.432373,3488.144043
	C2938.113281,3486.540527 2944.116943,3485.642578 2949.422119,3483.217285
	C2980.878906,3468.836670 3010.564941,3451.175537 3040.187500,3433.424072
	C3047.577148,3428.995850 3054.975830,3424.564209 3062.164062,3419.821777
	C3085.942871,3404.134033 3109.579590,3388.230225 3133.404785,3372.613770
	C3136.585205,3370.529297 3140.536133,3369.620605 3145.497559,3368.200684
	C3147.162109,3375.020264 3147.459229,3381.806641 3147.883789,3390.291504
	C3147.402588,3395.406006 3146.793701,3398.822021 3143.827637,3403.258301
	C3131.399414,3410.515869 3120.981934,3416.262207 3111.317871,3423.076416
	C3072.933350,3450.142578 3032.476074,3473.699463 2990.863037,3495.361328
	C2977.486572,3502.324707 2964.456055,3510.029053 2950.747559,3516.248779
	C2942.471191,3520.003906 2933.194336,3521.554688 2924.354004,3522.546387
	C2927.038086,3510.045654 2929.735107,3499.094971 2932.432373,3488.144043
z"/>
<path fill="#6C88BF" opacity="1.000000" stroke="none"
	d="
M2924.366943,3524.095947
	C2933.194336,3521.554688 2942.471191,3520.003906 2950.747559,3516.248779
	C2964.456055,3510.029053 2977.486572,3502.324707 2990.863037,3495.361328
	C3032.476074,3473.699463 3072.933350,3450.142578 3111.317871,3423.076416
	C3120.981934,3416.262207 3131.399414,3410.515869 3142.908203,3404.177246
	C3143.768555,3415.235596 3143.190674,3426.395264 3141.628418,3438.793457
	C3131.810547,3439.957031 3126.390137,3446.758301 3119.780273,3450.851562
	C3104.572266,3460.269287 3090.139648,3470.940186 3074.922852,3480.342285
	C3035.822510,3504.500732 2994.841064,3525.211670 2953.457031,3545.102783
	C2942.110596,3550.556396 2930.203369,3554.844238 2917.079590,3558.209717
	C2918.526123,3545.866943 2921.446533,3534.981445 2924.366943,3524.095947
z"/>
<path fill="#6C88BF" opacity="1.000000" stroke="none"
	d="
M2888.127930,3563.026123
	C2887.926270,3568.762695 2885.927490,3573.424561 2880.082520,3575.391113
	C2851.364990,3585.052979 2822.785156,3595.166016 2793.843750,3604.108398
	C2768.703125,3611.876709 2743.235596,3618.647705 2717.738281,3625.180420
	C2701.221680,3629.412109 2684.352295,3632.251465 2667.733887,3636.114502
	C2664.124512,3636.953857 2660.912354,3639.501221 2656.817383,3642.553223
	C2646.206055,3636.200928 2636.294678,3628.557861 2625.380371,3620.008057
	C2625.665039,3616.956543 2626.481445,3613.624023 2628.329346,3612.890381
	C2633.801758,3610.718262 2639.606934,3609.172119 2645.413818,3608.088135
	C2681.739014,3601.308594 2717.549805,3592.414307 2753.408447,3583.526611
	C2775.887695,3577.955078 2797.069336,3568.797607 2819.416748,3562.898193
	C2831.647461,3559.668945 2845.378174,3556.722168 2856.765137,3545.320801
	C2863.071777,3547.003906 2867.494385,3549.549805 2871.795166,3552.287354
	C2877.291016,3555.785889 2882.688232,3559.439453 2888.127930,3563.026123
z"/>
<path fill="#9FAABE" opacity="1.000000" stroke="none"
	d="
M2985.140381,3242.675049
	C2984.385742,3241.095947 2985.269043,3240.238525 2987.372559,3239.330078
	C2990.019287,3239.051758 2991.825439,3239.215332 2994.931641,3239.782227
	C2992.953613,3241.125488 2989.676025,3242.065674 2985.140381,3242.675049
z"/>
<path fill="#AEB9CD" opacity="1.000000" stroke="none"
	d="
M3019.309326,3235.967041
	C3018.362061,3237.134766 3016.280029,3237.976318 3013.093750,3238.521240
	C3014.051025,3237.363525 3016.112793,3236.502197 3019.309326,3235.967041
z"/>
<path fill="#475062" opacity="1.000000" stroke="none"
	d="
M3094.911865,3220.365234
	C3093.964111,3221.728760 3091.780518,3222.842773 3088.353027,3223.616211
	C3089.298096,3222.222412 3091.486816,3221.169189 3094.911865,3220.365234
z"/>
<path fill="#0A204E" opacity="1.000000" stroke="none"
	d="
M2939.644287,3450.177246
	C2938.458984,3454.977051 2937.247559,3458.120605 2934.352051,3462.608398
	C2929.666260,3463.966309 2926.664062,3463.980225 2923.758301,3462.309082
	C2925.122803,3449.793945 2926.391113,3438.963867 2927.860352,3426.467773
	C2933.297607,3410.241943 2931.560791,3395.020996 2933.346680,3379.055664
	C2935.010742,3373.336182 2935.636475,3368.597168 2937.733887,3363.895264
	C2942.152344,3363.945312 2945.098389,3363.958008 2948.044678,3363.970703
	C2949.276367,3364.395508 2950.257568,3365.147217 2951.398926,3367.068359
	C2950.849609,3370.393311 2949.386475,3372.803223 2949.015625,3375.370850
	C2947.217041,3387.814209 2945.711914,3400.300537 2944.221191,3414.449951
	C2942.766113,3426.926025 2941.192383,3437.723877 2939.644287,3450.177246
z"/>
<path fill="#22304E" opacity="1.000000" stroke="none"
	d="
M2967.926514,3271.852539
	C2983.804932,3273.728760 2998.819336,3268.048584 3014.296387,3266.367920
	C3024.566895,3265.252930 3034.632324,3262.251953 3046.426025,3260.115723
	C3047.772705,3268.529785 3041.808350,3273.512451 3035.886963,3277.397217
	C3010.429932,3294.098877 2984.581299,3310.204102 2958.842773,3326.475586
	C2957.756592,3327.162109 2956.350586,3327.342285 2953.593994,3326.229492
	C2956.676270,3307.492432 2955.860107,3289.842285 2957.824707,3272.226562
	C2962.150879,3272.051758 2965.038818,3271.952148 2967.926514,3271.852539
z"/>
<path fill="#081636" opacity="1.000000" stroke="none"
	d="
M2956.386475,3272.301758
	C2955.860107,3289.842285 2956.676270,3307.492432 2952.192139,3326.415039
	C2951.520752,3339.073486 2953.239990,3350.309082 2948.253662,3362.376953
	C2945.098389,3363.958008 2942.152344,3363.945312 2937.716309,3362.307617
	C2938.051025,3351.240479 2941.073730,3341.950195 2939.911133,3330.267334
	C2939.985596,3313.605957 2939.987793,3298.798340 2939.994873,3282.658936
	C2939.999756,3279.551514 2939.999756,3277.775635 2941.403809,3275.869873
	C2947.333740,3274.593750 2951.860107,3273.447754 2956.386475,3272.301758
z"/>
<path fill="#070E22" opacity="1.000000" stroke="none"
	d="
M2957.824707,3272.226562
	C2951.860107,3273.447754 2947.333740,3274.593750 2940.054199,3275.271973
	C2931.535400,3273.885498 2925.770020,3272.967285 2918.165527,3272.032471
	C2905.729492,3272.011230 2895.127930,3271.828613 2884.537598,3272.094727
	C2880.668945,3272.192139 2876.100586,3272.246094 2873.093506,3274.216064
	C2855.810791,3285.537598 2836.754639,3293.012451 2817.908691,3301.050293
	C2786.942383,3314.257812 2756.033936,3327.554932 2723.345459,3336.121094
	C2720.283203,3336.923584 2716.704834,3338.089844 2714.728027,3340.303467
	C2705.521973,3350.613770 2696.794922,3361.351807 2686.657715,3372.610840
	C2683.836426,3375.305908 2681.292480,3377.135010 2680.844238,3379.382568
	C2679.209717,3387.576904 2674.992676,3392.054443 2666.330322,3392.237061
	C2661.274170,3392.343750 2658.035156,3395.541992 2655.021484,3400.116699
	C2654.052734,3400.230469 2652.132324,3400.573975 2652.132324,3400.573975
	C2647.762451,3394.077148 2641.880615,3395.598145 2636.259033,3398.015625
	C2631.182617,3400.198486 2629.012939,3397.128418 2626.324707,3391.853516
	C2634.665771,3381.691895 2643.345947,3373.489990 2653.071045,3364.962402
	C2657.639648,3360.817871 2661.163574,3356.998779 2665.923340,3352.636719
	C2674.024658,3343.904053 2680.889893,3335.714844 2688.635010,3327.229248
	C2690.903564,3325.719238 2692.292480,3324.505127 2695.530762,3323.472656
	C2702.670410,3323.761475 2707.962646,3323.808594 2713.250488,3323.990723
	C2719.736572,3324.214355 2724.671387,3322.051270 2727.959473,3316.040283
	C2732.704834,3307.365234 2738.165771,3299.076904 2742.790039,3290.342285
	C2746.616943,3283.113770 2751.280762,3276.412598 2758.696289,3273.241211
	C2774.437988,3266.509521 2790.682129,3260.961426 2806.554932,3254.520508
	C2813.149658,3251.843994 2819.126709,3251.972900 2825.684326,3254.589600
	C2833.639648,3257.763916 2841.888184,3260.241455 2850.098633,3262.727051
	C2855.895264,3264.481934 2862.333984,3265.576172 2867.274414,3261.625732
	C2873.604736,3256.563721 2884.105225,3255.076660 2885.268555,3243.663574
	C2889.666748,3243.307129 2892.876953,3243.199951 2896.750488,3243.440186
	C2898.424561,3243.979248 2899.315674,3244.416260 2901.419678,3246.043457
	C2927.171631,3247.328857 2951.590820,3247.669189 2976.004883,3248.004883
	C2976.000000,3248.000000 2975.993164,3247.998047 2975.993164,3247.998047
	C2974.570312,3251.459473 2973.076416,3254.894043 2971.743652,3258.389893
	C2970.412354,3261.883057 2969.242188,3265.438232 2967.963867,3270.409180
	C2965.038818,3271.952148 2962.150879,3272.051758 2957.824707,3272.226562
z"/>
<path fill="#070E22" opacity="1.000000" stroke="none"
	d="
M2975.971924,3244.501465
	C2976.631104,3244.266357 2977.290527,3244.031006 2978.978027,3244.014404
	C2979.563232,3245.469727 2978.800781,3246.459961 2976.855957,3247.601074
	C2975.993164,3247.998047 2976.000000,3248.000000 2976.003418,3247.127441
	C2976.007080,3246.255127 2975.971924,3244.501465 2975.971924,3244.501465
z"/>
<path fill="#0D327C" opacity="1.000000" stroke="none"
	d="
M2923.662109,3463.994141
	C2926.664062,3463.980225 2929.666260,3463.966309 2934.163086,3463.911377
	C2934.513672,3470.929688 2933.369141,3477.988525 2932.328613,3486.595703
	C2929.735107,3499.094971 2927.038086,3510.045654 2924.354004,3522.546387
	C2921.446533,3534.981445 2918.526123,3545.866943 2915.585449,3558.308105
	C2907.433350,3569.938965 2906.998291,3570.098145 2896.369385,3566.182129
	C2894.546875,3565.510254 2892.807617,3564.611328 2889.579102,3563.421631
	C2882.688232,3559.439453 2877.291016,3555.785889 2871.795166,3552.287354
	C2867.494385,3549.549805 2863.071777,3547.003906 2857.360352,3544.029297
	C2849.181641,3536.050049 2839.974365,3532.516846 2829.483887,3528.478271
	C2828.010498,3526.299561 2827.775391,3524.704346 2828.657715,3521.250488
	C2832.288330,3518.136230 2834.801758,3516.880371 2838.604492,3515.840088
	C2843.421387,3517.870361 2847.110352,3519.429932 2850.447266,3521.545410
	C2863.303467,3529.695068 2875.949219,3538.180420 2888.894287,3546.183594
	C2892.573975,3548.458252 2897.002197,3549.522461 2901.958252,3551.487549
	C2908.517090,3525.874756 2916.634033,3502.074951 2917.771240,3475.719238
	C2920.297119,3471.200195 2921.979492,3467.597168 2923.662109,3463.994141
z"/>
<path fill="#8CB0F2" opacity="1.000000" stroke="none"
	d="
M1195.943481,2164.096680
	C1176.938721,2131.610107 1165.827393,2096.332275 1159.398071,2059.484863
	C1152.578735,2020.402222 1153.201172,1981.526978 1163.219727,1942.920532
	C1177.245605,1888.872559 1207.152222,1844.988403 1249.651489,1809.692871
	C1283.752563,1781.372070 1322.323120,1760.770508 1366.524658,1749.664551
	C1365.423096,1757.685181 1363.605469,1764.839233 1360.186523,1771.121826
	C1351.682373,1786.749390 1342.364746,1801.932129 1333.533813,1817.384644
	C1326.302979,1830.037476 1319.397461,1842.875854 1312.181763,1855.537476
	C1293.781250,1887.825562 1282.264526,1923.333130 1264.866821,1956.148315
	C1257.497559,1970.047852 1253.504028,1985.776978 1248.344604,2000.800903
	C1231.577148,2049.627441 1216.472412,2098.973145 1204.722534,2149.249512
	C1203.188599,2155.812744 1199.429321,2159.502686 1195.943481,2164.096680
z"/>
<path fill="#7998D3" opacity="1.000000" stroke="none"
	d="
M1400.241699,1736.992188
	C1408.642090,1735.567017 1416.848022,1734.940552 1426.621460,1735.940308
	C1428.641724,1747.125244 1421.933350,1753.490234 1417.109009,1760.254272
	C1397.882568,1787.211914 1382.085449,1816.256836 1365.902954,1844.966431
	C1349.665771,1873.773315 1336.105347,1904.081543 1321.065430,1933.575684
	C1317.323364,1940.914062 1315.319702,1948.296631 1314.892090,1957.126709
	C1302.654053,1965.245605 1302.630493,1965.282837 1306.337036,1976.427979
	C1307.164551,1978.916138 1308.090576,1981.371582 1307.455078,1984.002075
	C1300.882446,1985.081665 1297.948242,1988.082764 1296.241821,1992.951294
	C1292.308350,2004.173218 1287.839111,2015.207886 1283.928101,2026.437256
	C1269.801147,2066.999268 1257.004883,2107.959961 1247.774536,2149.957275
	C1243.817871,2167.959717 1239.723755,2185.937988 1236.185547,2204.023682
	C1235.063477,2209.758789 1232.796631,2213.907715 1227.510132,2216.328369
	C1217.991333,2210.162598 1213.718262,2200.065918 1209.712402,2189.333984
	C1215.318726,2187.592529 1219.336060,2186.404053 1219.534180,2181.416504
	C1220.066650,2168.009277 1223.826172,2155.356445 1227.812134,2142.724121
	C1229.009155,2138.930664 1230.661987,2135.229004 1231.398560,2131.350830
	C1236.717163,2103.349609 1244.361450,2075.940918 1253.725220,2049.094238
	C1263.974487,2019.708862 1275.316895,1990.693726 1286.335449,1961.588501
	C1299.985474,1925.531982 1317.383789,1891.345581 1334.466919,1857.109009
	C1351.578613,1822.815186 1372.844849,1790.588623 1392.447388,1757.549194
	C1395.847290,1751.818970 1399.818237,1746.465820 1399.852661,1739.423096
	C1399.852661,1739.423096 1400.047241,1737.790771 1400.241699,1736.992188
z"/>
<path fill="#83A4E3" opacity="1.000000" stroke="none"
	d="
M1398.308228,1739.511963
	C1399.818237,1746.465820 1395.847290,1751.818970 1392.447388,1757.549194
	C1372.844849,1790.588623 1351.578613,1822.815186 1334.466919,1857.109009
	C1317.383789,1891.345581 1299.985474,1925.531982 1286.335449,1961.588501
	C1275.316895,1990.693726 1263.974487,2019.708862 1253.725220,2049.094238
	C1244.361450,2075.940918 1236.717163,2103.349609 1231.398560,2131.350830
	C1230.661987,2135.229004 1229.009155,2138.930664 1227.812134,2142.724121
	C1223.826172,2155.356445 1220.066650,2168.009277 1219.534180,2181.416504
	C1219.336060,2186.404053 1215.318726,2187.592529 1209.448730,2187.977295
	C1205.632690,2184.728760 1203.427734,2181.391846 1200.465332,2177.051025
	C1198.525146,2172.904297 1197.342529,2169.761475 1196.051758,2165.357910
	C1199.429321,2159.502686 1203.188599,2155.812744 1204.722534,2149.249512
	C1216.472412,2098.973145 1231.577148,2049.627441 1248.344604,2000.800903
	C1253.504028,1985.776978 1257.497559,1970.047852 1264.866821,1956.148315
	C1282.264526,1923.333130 1293.781250,1887.825562 1312.181763,1855.537476
	C1319.397461,1842.875854 1326.302979,1830.037476 1333.533813,1817.384644
	C1342.364746,1801.932129 1351.682373,1786.749390 1360.186523,1771.121826
	C1363.605469,1764.839233 1365.423096,1757.685181 1367.997070,1749.411865
	C1377.604370,1745.130859 1387.184082,1742.365845 1398.308228,1739.511963
z"/>
<path fill="#6D8AC1" opacity="1.000000" stroke="none"
	d="
M1227.769531,2217.671143
	C1232.796631,2213.907715 1235.063477,2209.758789 1236.185547,2204.023682
	C1239.723755,2185.937988 1243.817871,2167.959717 1247.774536,2149.957275
	C1257.004883,2107.959961 1269.801147,2066.999268 1283.928101,2026.437256
	C1287.839111,2015.207886 1292.308350,2004.173218 1296.241821,1992.951294
	C1297.948242,1988.082764 1300.882446,1985.081665 1308.518311,1984.676270
	C1314.266968,1991.194214 1317.436523,1997.197998 1320.606079,2003.201660
	C1312.005127,2028.171265 1303.019775,2053.016357 1294.891357,2078.138916
	C1281.900635,2118.290039 1270.899170,2158.970703 1263.711548,2200.635254
	C1262.144165,2209.721680 1259.307861,2218.526611 1259.849854,2227.956299
	C1260.234863,2234.655518 1255.643433,2238.776367 1249.502563,2243.151855
	C1241.477539,2235.541992 1234.753174,2227.277832 1227.769531,2217.671143
z"/>
<path fill="#6D8AC1" opacity="1.000000" stroke="none"
	d="
M1316.107300,1956.453613
	C1315.319702,1948.296631 1317.323364,1940.914062 1321.065430,1933.575684
	C1336.105347,1904.081543 1349.665771,1873.773315 1365.902954,1844.966431
	C1382.085449,1816.256836 1397.882568,1787.211914 1417.109009,1760.254272
	C1421.933350,1753.490234 1428.641724,1747.125244 1428.400269,1735.900635
	C1438.883179,1729.574463 1449.765991,1728.099487 1462.536377,1727.694580
	C1464.153198,1727.353638 1466.041504,1727.867676 1466.984375,1729.533447
	C1468.190796,1736.221069 1465.486206,1739.760132 1462.564575,1743.563110
	C1453.717773,1755.079102 1444.637817,1766.505249 1436.879517,1778.746460
	C1426.271362,1795.483643 1417.586670,1813.461914 1406.666382,1829.975098
	C1385.374878,1862.171143 1369.940918,1897.401123 1352.228149,1931.454468
	C1349.424927,1936.843872 1347.366455,1942.352173 1347.095337,1949.476074
	C1335.998413,1952.404297 1326.052856,1954.428955 1316.107300,1956.453613
z"/>
<path fill="#5F79AB" opacity="1.000000" stroke="none"
	d="
M1348.246704,1948.572266
	C1347.366455,1942.352173 1349.424927,1936.843872 1352.228149,1931.454468
	C1369.940918,1897.401123 1385.374878,1862.171143 1406.666382,1829.975098
	C1417.586670,1813.461914 1426.271362,1795.483643 1436.879517,1778.746460
	C1444.637817,1766.505249 1453.717773,1755.079102 1462.564575,1743.563110
	C1465.486206,1739.760132 1468.190796,1736.221069 1467.936768,1729.758667
	C1478.798706,1728.062622 1489.651489,1727.807007 1502.257568,1729.147949
	C1504.235718,1735.683960 1501.702637,1739.371826 1499.056885,1743.320312
	C1481.092651,1770.131104 1463.645874,1797.291382 1445.495605,1823.973999
	C1425.376221,1853.551758 1409.335083,1885.339111 1393.283325,1917.167847
	C1389.607300,1924.456909 1387.241821,1931.768799 1386.823975,1940.495605
	C1382.459229,1942.164551 1379.251465,1943.286865 1374.475708,1944.326416
	C1364.687500,1945.686646 1356.467041,1947.129395 1348.246704,1948.572266
z"/>
<path fill="#536A99" opacity="1.000000" stroke="none"
	d="
M1387.980835,1939.948730
	C1387.241821,1931.768799 1389.607300,1924.456909 1393.283325,1917.167847
	C1409.335083,1885.339111 1425.376221,1853.551758 1445.495605,1823.973999
	C1463.645874,1797.291382 1481.092651,1770.131104 1499.056885,1743.320312
	C1501.702637,1739.371826 1504.235718,1735.683960 1504.065674,1729.238037
	C1514.842896,1727.852051 1525.565552,1727.972412 1538.101318,1729.661865
	C1539.341431,1733.778442 1539.426880,1736.759277 1538.083862,1738.799683
	C1531.559204,1748.711060 1524.708374,1758.410522 1517.866089,1768.109497
	C1509.134766,1780.486084 1499.902710,1792.529663 1491.610474,1805.190918
	C1480.771851,1821.740479 1470.710449,1838.797119 1460.190552,1855.557739
	C1444.340454,1880.810791 1431.622925,1907.648438 1418.168213,1935.250854
	C1407.049561,1937.035278 1397.515137,1938.492065 1387.980835,1939.948730
z"/>
<path fill="#475C86" opacity="1.000000" stroke="none"
	d="
M1419.752686,1934.923218
	C1431.622925,1907.648438 1444.340454,1880.810791 1460.190552,1855.557739
	C1470.710449,1838.797119 1480.771851,1821.740479 1491.610474,1805.190918
	C1499.902710,1792.529663 1509.134766,1780.486084 1517.866089,1768.109497
	C1524.708374,1758.410522 1531.559204,1748.711060 1538.083862,1738.799683
	C1539.426880,1736.759277 1539.341431,1733.778442 1539.886230,1729.788208
	C1542.934692,1728.224243 1546.011230,1728.103149 1550.625244,1727.855103
	C1559.110474,1729.005493 1566.058105,1730.282837 1574.485107,1733.274414
	C1576.188843,1739.963989 1573.672241,1743.580200 1570.716675,1747.380981
	C1560.213867,1760.887573 1550.347900,1774.892090 1539.757568,1788.327148
	C1512.701416,1822.651245 1492.018433,1861.051758 1469.202759,1898.081055
	C1463.682251,1907.040771 1458.472656,1916.478149 1458.454590,1928.067383
	C1451.418335,1929.557617 1445.819214,1930.633057 1440.307251,1932.047607
	C1437.318359,1932.814453 1434.477783,1934.158813 1430.094482,1935.342529
	C1425.663208,1935.269409 1422.708008,1935.096313 1419.752686,1934.923218
z"/>
<path fill="#D6E2F8" opacity="1.000000" stroke="none"
	d="
M1632.475098,1883.960083
	C1635.656006,1863.712769 1638.307983,1843.364258 1642.157593,1823.244873
	C1646.514648,1800.474854 1651.946045,1777.910278 1656.912109,1753.590576
	C1664.018188,1732.599243 1666.734741,1712.425781 1668.442627,1692.062866
	C1669.042236,1684.915039 1669.530396,1677.757935 1670.122192,1669.906006
	C1690.460938,1666.874878 1709.822388,1663.989502 1732.268311,1660.527588
	C1738.441284,1659.005737 1741.529907,1658.060303 1745.301270,1657.459473
	C1747.112793,1657.718384 1747.928467,1657.168213 1749.875732,1656.272461
	C1754.143555,1655.775757 1756.966675,1655.160034 1760.910767,1654.792725
	C1764.062866,1654.055420 1766.093994,1653.069702 1769.703613,1651.976685
	C1780.248413,1649.594360 1789.145264,1646.983887 1798.194214,1645.108643
	C1823.388428,1639.887329 1848.150757,1632.226807 1875.611328,1631.594727
	C1880.499634,1632.773560 1885.606323,1630.842163 1885.938721,1637.502319
	C1863.350586,1657.577148 1836.957520,1673.224609 1814.720825,1694.202759
	C1797.887085,1710.083618 1778.948975,1723.769165 1762.459473,1739.970459
	C1741.175049,1760.882935 1721.396484,1783.328003 1700.975952,1805.119263
	C1700.066650,1806.089478 1699.127808,1807.052734 1698.358765,1808.130615
	C1681.830078,1831.295898 1661.854614,1851.925293 1647.645264,1876.781494
	C1644.117676,1882.952271 1638.822266,1884.300903 1632.475098,1883.960083
z"/>
<path fill="#394B70" opacity="1.000000" stroke="none"
	d="
M1736.019409,1577.638916
	C1741.566162,1576.247803 1746.259155,1574.994873 1750.786377,1571.295654
	C1784.748901,1543.545288 1821.560547,1519.782715 1858.312378,1496.030884
	C1877.793579,1483.440674 1898.400513,1472.575439 1918.689453,1461.272949
	C1921.364014,1459.782715 1925.168579,1460.320801 1930.105835,1461.515381
	C1929.637817,1473.983643 1926.860596,1484.782959 1927.938721,1496.977295
	C1927.806274,1497.925171 1927.471436,1499.810181 1926.024048,1499.877075
	C1922.044312,1500.587769 1919.048950,1500.571533 1917.048828,1501.974365
	C1886.836792,1523.163330 1853.858276,1539.901001 1823.664673,1561.273071
	C1797.306763,1579.930054 1772.495850,1600.296265 1747.681763,1620.784668
	C1745.351929,1617.787354 1741.651611,1615.079712 1740.945190,1611.739014
	C1738.685059,1601.050781 1737.534546,1590.128052 1736.019409,1577.638916
z"/>
<path fill="#3D4F76" opacity="1.000000" stroke="none"
	d="
M1459.928223,1927.793823
	C1458.472656,1916.478149 1463.682251,1907.040771 1469.202759,1898.081055
	C1492.018433,1861.051758 1512.701416,1822.651245 1539.757568,1788.327148
	C1550.347900,1774.892090 1560.213867,1760.887573 1570.716675,1747.380981
	C1573.672241,1743.580200 1576.188843,1739.963989 1575.982422,1733.526123
	C1585.554688,1733.393799 1595.108643,1734.723877 1606.291992,1737.625122
	C1607.654541,1746.888184 1603.655884,1752.828125 1599.234253,1758.756226
	C1588.205322,1773.543579 1576.708618,1787.959595 1565.832764,1802.889893
	C1542.526245,1834.884888 1521.380005,1868.183105 1501.195801,1902.137695
	C1497.206787,1908.848267 1494.997437,1916.616577 1491.005859,1924.113403
	C1490.044189,1924.329712 1488.122925,1924.771362 1486.556641,1924.710693
	C1476.889160,1927.713257 1468.496460,1928.453125 1459.928223,1927.793823
z"/>
<path fill="#2D3C5E" opacity="1.000000" stroke="none"
	d="
M1747.725342,1621.976562
	C1772.495850,1600.296265 1797.306763,1579.930054 1823.664673,1561.273071
	C1853.858276,1539.901001 1886.836792,1523.163330 1917.048828,1501.974365
	C1919.048950,1500.571533 1922.044312,1500.587769 1926.197021,1501.557739
	C1926.492554,1515.421753 1925.167725,1527.671875 1922.438843,1540.097534
	C1915.830078,1543.003052 1910.507446,1545.532471 1905.447388,1548.508545
	C1896.961792,1553.499390 1888.435181,1558.468140 1880.297241,1563.993286
	C1862.928223,1575.785767 1845.705933,1587.802490 1828.676758,1600.078613
	C1826.396484,1601.722290 1825.583252,1605.401123 1822.702881,1608.737305
	C1810.776001,1612.506226 1800.337402,1616.077881 1789.672607,1618.744385
	C1775.881104,1622.192871 1761.908936,1624.918701 1748.014648,1627.955566
	C1747.932739,1626.359863 1747.850830,1624.764038 1747.725342,1621.976562
z"/>
<path fill="#334467" opacity="1.000000" stroke="none"
	d="
M1491.967529,1923.897095
	C1494.997437,1916.616577 1497.206787,1908.848267 1501.195801,1902.137695
	C1521.380005,1868.183105 1542.526245,1834.884888 1565.832764,1802.889893
	C1576.708618,1787.959595 1588.205322,1773.543579 1599.234253,1758.756226
	C1603.655884,1752.828125 1607.654541,1746.888184 1607.909424,1737.736328
	C1612.908813,1737.610718 1617.942871,1738.865967 1622.926025,1740.298340
	C1629.963501,1742.321167 1631.038452,1744.617065 1629.304077,1753.478394
	C1629.054688,1754.752686 1628.671387,1756.000854 1628.318848,1758.692871
	C1627.559814,1763.526855 1626.832153,1766.929077 1623.712158,1771.304199
	C1617.126709,1775.299805 1612.302002,1777.741577 1608.874878,1781.468628
	C1602.227051,1788.698486 1595.785278,1796.258057 1590.281494,1804.374756
	C1570.748413,1833.182007 1551.284424,1862.051025 1532.603516,1891.411743
	C1527.059937,1900.124634 1524.179565,1910.532104 1518.933350,1921.233032
	C1509.181152,1922.834229 1500.574219,1923.365723 1491.967529,1923.897095
z"/>
<path fill="#09183A" opacity="1.000000" stroke="none"
	d="
M1747.867554,1629.354858
	C1761.908936,1624.918701 1775.881104,1622.192871 1789.672607,1618.744385
	C1800.337402,1616.077881 1810.776001,1612.506226 1824.406494,1608.728271
	C1840.943970,1606.097534 1854.356689,1603.805542 1867.845581,1602.126465
	C1882.613159,1600.288330 1896.945190,1595.219238 1912.033325,1597.636841
	C1912.133423,1605.654663 1908.717163,1609.714844 1903.084839,1612.521362
	C1897.985352,1615.062622 1895.834229,1619.421509 1896.246094,1625.730591
	C1896.045532,1626.353394 1895.595703,1627.582031 1894.020142,1627.619141
	C1886.340576,1628.885620 1880.236450,1630.114868 1874.132446,1631.344116
	C1848.150757,1632.226807 1823.388428,1639.887329 1798.194214,1645.108643
	C1789.145264,1646.983887 1780.248413,1649.594360 1768.548096,1651.693848
	C1763.805786,1652.526978 1761.797852,1653.535645 1759.789795,1654.544189
	C1756.966675,1655.160034 1754.143555,1655.775757 1749.196289,1656.215942
	C1746.130615,1656.115723 1745.312622,1656.473877 1744.618530,1657.114868
	C1741.529907,1658.060303 1738.441284,1659.005737 1733.714600,1659.822998
	C1731.531616,1653.669678 1733.306396,1648.707764 1737.620728,1644.190552
	C1741.463623,1640.166748 1744.389771,1635.267212 1747.867554,1629.354858
z"/>
<path fill="#8CB0F2" opacity="1.000000" stroke="none"
	d="
M2163.853516,3679.361816
	C2135.685303,3695.045654 2105.331787,3705.032715 2074.030518,3711.627441
	C2054.594238,3715.722656 2034.587402,3718.924072 2014.796265,3719.161133
	C1966.518433,3719.738770 1921.022949,3707.819092 1880.241211,3681.395752
	C1815.577759,3639.498779 1772.828857,3581.072266 1752.927979,3505.505371
	C1768.619751,3507.857422 1780.923584,3515.875977 1793.048462,3523.638428
	C1806.529419,3532.269043 1820.307373,3540.171631 1834.544800,3547.394043
	C1839.868408,3550.094971 1844.939941,3553.288330 1850.194824,3556.130371
	C1858.964844,3560.873535 1867.643188,3565.820801 1876.628784,3570.120850
	C1888.005493,3575.565430 1899.823853,3580.095459 1911.146729,3585.642578
	C1940.978271,3600.257324 1971.559082,3612.939697 2003.109009,3623.383545
	C2012.532471,3626.502686 2021.272217,3631.677490 2030.683472,3634.846436
	C2047.023682,3640.348633 2063.602539,3645.159912 2080.158691,3649.996338
	C2092.237305,3653.524902 2104.419678,3656.707764 2116.593994,3659.898926
	C2129.391113,3663.253662 2142.292969,3666.223633 2155.024414,3669.804688
	C2159.527588,3671.071289 2163.645752,3673.659668 2163.853516,3679.361816
z"/>
<path fill="#7897D1" opacity="1.000000" stroke="none"
	d="
M1738.304932,3445.949219
	C1745.783813,3443.782471 1751.797485,3447.786865 1757.931519,3451.873047
	C1787.613037,3471.645752 1818.021118,3490.219238 1849.589722,3506.856201
	C1872.395020,3518.874756 1894.953735,3531.385498 1918.034424,3542.847168
	C1930.984009,3549.277588 1944.771484,3554.020996 1960.591431,3560.559082
	C1965.754639,3568.232910 1970.666504,3569.765137 1977.116821,3567.485596
	C1980.745728,3566.202881 1984.333008,3564.802246 1988.087891,3564.937500
	C1990.027710,3575.134033 1997.636108,3576.834961 2004.301392,3579.378906
	C2008.562988,3581.005371 2013.365112,3581.251465 2017.574585,3582.972656
	C2055.474365,3598.468262 2094.970215,3609.024658 2134.265625,3620.003418
	C2158.273193,3626.711182 2182.964844,3631.027588 2207.446045,3635.935791
	C2212.930908,3637.035400 2215.652588,3639.430664 2216.367920,3644.657959
	C2214.737793,3647.188965 2213.575684,3650.273193 2211.377930,3652.133301
	C2207.089600,3655.762695 2202.221924,3658.707764 2196.800781,3662.970459
	C2195.321533,3663.966797 2194.635742,3663.928711 2192.678955,3662.370850
	C2187.969482,3653.941895 2181.445068,3653.112305 2174.791992,3651.932861
	C2163.769531,3649.978516 2152.715576,3647.953369 2141.907959,3645.080322
	C2093.951660,3632.332520 2046.119507,3619.249756 1999.955933,3600.632812
	C1962.481689,3585.520264 1924.924683,3570.825684 1888.724487,3552.618896
	C1842.487061,3529.363770 1797.606201,3503.911621 1753.974121,3476.146973
	C1750.800537,3474.127686 1746.731445,3473.515869 1743.078613,3472.249756
	C1737.865112,3464.689453 1740.454956,3455.727295 1738.304932,3445.949219
z"/>
<path fill="#83A4E3" opacity="1.000000" stroke="none"
	d="
M1743.230957,3473.782227
	C1746.731445,3473.515869 1750.800537,3474.127686 1753.974121,3476.146973
	C1797.606201,3503.911621 1842.487061,3529.363770 1888.724487,3552.618896
	C1924.924683,3570.825684 1962.481689,3585.520264 1999.955933,3600.632812
	C2046.119507,3619.249756 2093.951660,3632.332520 2141.907959,3645.080322
	C2152.715576,3647.953369 2163.769531,3649.978516 2174.791992,3651.932861
	C2181.445068,3653.112305 2187.969482,3653.941895 2191.651855,3662.289551
	C2183.433105,3668.774170 2174.970459,3673.820068 2165.180664,3679.113770
	C2163.645752,3673.659668 2159.527588,3671.071289 2155.024414,3669.804688
	C2142.292969,3666.223633 2129.391113,3663.253662 2116.593994,3659.898926
	C2104.419678,3656.707764 2092.237305,3653.524902 2080.158691,3649.996338
	C2063.602539,3645.159912 2047.023682,3640.348633 2030.683472,3634.846436
	C2021.272217,3631.677490 2012.532471,3626.502686 2003.109009,3623.383545
	C1971.559082,3612.939697 1940.978271,3600.257324 1911.146729,3585.642578
	C1899.823853,3580.095459 1888.005493,3575.565430 1876.628784,3570.120850
	C1867.643188,3565.820801 1858.964844,3560.873535 1850.194824,3556.130371
	C1844.939941,3553.288330 1839.868408,3550.094971 1834.544800,3547.394043
	C1820.307373,3540.171631 1806.529419,3532.269043 1793.048462,3523.638428
	C1780.923584,3515.875977 1768.619751,3507.857422 1752.817383,3503.947021
	C1748.632690,3494.372803 1746.007935,3484.843750 1743.230957,3473.782227
z"/>
<path fill="#6C88BF" opacity="1.000000" stroke="none"
	d="
M2217.796387,3644.542236
	C2215.652588,3639.430664 2212.930908,3637.035400 2207.446045,3635.935791
	C2182.964844,3631.027588 2158.273193,3626.711182 2134.265625,3620.003418
	C2094.970215,3609.024658 2055.474365,3598.468262 2017.574585,3582.972656
	C2013.365112,3581.251465 2008.562988,3581.005371 2004.301392,3579.378906
	C1997.636108,3576.834961 1990.027710,3575.134033 1988.861328,3563.878418
	C1998.282227,3556.559570 2007.078735,3551.782715 2015.875366,3547.005859
	C2017.889526,3549.524414 2019.402466,3553.296875 2022.007080,3554.338379
	C2031.766724,3558.240479 2041.890137,3561.228760 2051.864014,3564.598633
	C2066.230713,3569.453125 2080.593262,3574.319580 2094.944580,3579.219971
	C2133.754639,3592.472412 2173.789551,3600.711914 2213.983154,3608.285889
	C2221.732910,3609.746094 2229.623291,3610.542480 2237.290527,3612.325928
	C2241.697266,3613.350586 2245.785400,3615.743164 2250.924561,3618.682617
	C2244.998535,3626.030029 2238.403076,3632.510498 2231.228027,3638.269531
	C2227.792969,3641.026855 2223.260254,3642.416992 2217.796387,3644.542236
z"/>
<path fill="#03091E" opacity="1.000000" stroke="none"
	d="
M2236.313477,3379.359863
	C2232.389648,3387.342773 2230.786621,3388.766602 2225.324707,3387.519043
	C2214.358154,3385.014404 2203.325439,3382.647705 2192.569336,3379.398193
	C2152.637207,3367.334961 2112.655518,3355.596680 2074.002686,3339.465088
	C2045.157593,3327.426758 2016.575806,3314.990234 1989.014771,3300.330322
	C1966.764771,3288.494629 1944.982910,3275.777588 1923.019653,3263.405029
	C1916.957642,3259.990234 1912.715088,3255.086182 1911.576416,3246.599854
	C1911.885376,3245.114258 1913.131470,3245.926025 1915.093262,3246.641113
	C1930.875000,3247.599854 1944.695557,3248.020508 1958.513794,3247.949219
	C1961.573364,3247.933594 1964.623779,3246.179688 1969.182373,3244.819824
	C1973.754883,3243.924316 1976.823486,3243.435059 1981.384888,3243.227539
	C1986.905029,3243.356445 1990.932129,3243.203857 1995.349609,3244.497314
	C1997.129639,3252.711426 2002.531982,3255.412598 2008.015259,3257.991455
	C2030.777832,3268.697021 2053.446045,3279.612793 2076.373291,3289.954346
	C2085.412598,3294.031738 2095.464600,3295.951416 2104.310547,3300.351318
	C2124.083496,3310.186035 2145.547852,3315.068848 2166.062500,3322.684082
	C2171.662109,3324.762451 2172.713379,3323.612061 2177.647217,3315.314453
	C2181.290039,3318.737793 2183.917236,3321.567383 2187.059570,3325.695312
	C2195.097900,3336.374756 2202.609863,3345.765381 2210.190918,3355.100098
	C2210.469727,3355.443604 2211.423828,3355.239258 2213.265625,3355.907227
	C2217.093262,3363.330811 2221.242432,3368.804199 2228.398438,3373.125488
	C2231.300049,3375.959229 2233.806885,3377.659424 2236.313477,3379.359863
z"/>
<path fill="#051841" opacity="1.000000" stroke="none"
	d="
M1927.589844,3369.838867
	C1927.022461,3363.036621 1926.744385,3357.849854 1926.169922,3352.696045
	C1925.666504,3348.177979 1924.830811,3343.697021 1924.252686,3337.561279
	C1933.366089,3335.178223 1940.910156,3338.607910 1948.786133,3342.772217
	C1971.053955,3354.546631 1993.702881,3365.622314 2016.422974,3376.511963
	C2031.963745,3383.960449 2047.401733,3391.497070 2064.014160,3396.774414
	C2094.345947,3406.409668 2124.208252,3417.523682 2154.255859,3428.050537
	C2156.751709,3428.925049 2159.168213,3430.025879 2162.997070,3431.674805
	C2157.745361,3443.364258 2146.522217,3449.460693 2136.579102,3458.779541
	C2134.026123,3461.036377 2132.099121,3462.119141 2127.635254,3463.445312
	C2120.672852,3462.269287 2116.229248,3460.904541 2111.825439,3459.420410
	C2090.428223,3452.209717 2068.577637,3446.088867 2047.757935,3437.477783
	C2015.239502,3424.028076 1982.499023,3410.897217 1951.617554,3393.782471
	C1944.505859,3389.841064 1937.135742,3387.078857 1928.822266,3387.832275
	C1928.465088,3382.377686 1928.107788,3376.923340 1927.589844,3369.838867
z"/>
<path fill="#C9D6E9" opacity="1.000000" stroke="none"
	d="
M2237.480957,3379.651123
	C2233.806885,3377.659424 2231.300049,3375.959229 2229.105469,3371.903809
	C2232.184326,3368.137695 2235.163330,3365.220703 2237.680420,3365.575928
	C2248.742676,3367.137695 2259.653076,3369.743652 2270.654541,3371.777588
	C2279.079590,3373.334961 2287.511230,3375.197021 2296.023193,3375.868164
	C2311.154297,3377.060547 2326.290039,3379.129150 2341.214600,3381.072021
	C2356.432861,3383.053467 2371.466797,3383.654297 2386.646240,3384.011719
	C2396.559570,3384.245361 2406.315430,3385.570801 2416.139160,3386.749512
	C2432.436035,3388.704834 2449.183105,3387.244629 2465.722656,3386.695068
	C2473.586670,3386.434082 2481.388916,3384.520508 2489.257080,3384.135498
	C2499.861328,3383.617432 2510.591797,3384.692871 2521.106934,3383.572021
	C2538.113037,3381.759277 2554.915039,3377.879150 2571.936035,3376.398438
	C2594.379395,3374.446045 2616.229248,3369.577148 2638.259277,3365.457520
	C2642.703369,3364.626221 2647.429932,3365.305420 2652.026123,3365.288086
	C2643.345947,3373.489990 2634.665771,3381.691895 2625.322754,3391.032227
	C2623.944336,3392.267090 2623.229004,3392.363525 2621.437256,3392.583252
	C2616.147217,3386.568359 2609.942383,3387.531982 2604.155273,3388.750732
	C2586.081787,3392.557129 2568.080322,3396.676270 2549.429688,3396.112793
	C2529.851562,3403.803711 2508.428711,3396.463379 2488.671631,3403.595459
	C2484.542969,3405.085938 2479.460449,3403.985596 2474.817383,3403.990479
	C2454.913574,3404.011963 2435.009766,3404.063965 2415.106201,3403.974121
	C2404.549805,3403.926514 2394.027588,3404.634766 2383.639404,3400.923096
	C2378.875000,3399.220703 2373.142090,3400.151123 2367.845215,3400.032471
	C2355.313232,3399.751709 2342.943115,3398.746338 2330.431885,3397.139404
	C2315.474121,3395.217773 2300.332031,3393.721436 2285.294189,3391.860352
	C2275.530029,3390.651611 2266.118896,3386.306885 2253.985840,3388.938965
	C2247.555176,3386.119629 2243.101562,3383.031006 2237.480957,3379.651123
z"/>
<path fill="#C9D6E9" opacity="1.000000" stroke="none"
	d="
M1913.131470,3245.926025
	C1913.131470,3245.926025 1911.885376,3245.114258 1911.144897,3245.037354
	C1906.335327,3244.370850 1902.266357,3243.781494 1896.519531,3242.059082
	C1893.919067,3240.234619 1892.927368,3239.662354 1891.866821,3239.209229
	C1891.747070,3234.006348 1888.768677,3230.923828 1884.579468,3228.206787
	C1870.169189,3218.859375 1855.691528,3209.708496 1842.905396,3197.952393
	C1831.770264,3187.713867 1819.448853,3178.739746 1807.437744,3169.484375
	C1777.377319,3146.320801 1752.420532,3117.812500 1725.558960,3091.316162
	C1716.188721,3082.073730 1708.020020,3071.575439 1699.651733,3061.364502
	C1689.619385,3049.123291 1679.817383,3036.685791 1670.196167,3024.118652
	C1664.982666,3017.308350 1660.372681,3010.037598 1655.455200,3002.999268
	C1650.453613,2995.840576 1645.025024,2989.191406 1634.221924,2986.760742
	C1631.311035,2976.255371 1629.992798,2966.269531 1630.443115,2954.515381
	C1637.002197,2952.249023 1639.166626,2955.614014 1641.575439,2958.877441
	C1655.701294,2978.015381 1670.146606,2996.922119 1684.033691,3016.230713
	C1707.259399,3048.523682 1733.331787,3078.569580 1761.360474,3106.494873
	C1782.819214,3127.873535 1805.395996,3148.406494 1828.925659,3167.808594
	C1843.747192,3180.029785 1858.673950,3191.977539 1874.302979,3203.091797
	C1887.235107,3212.287598 1900.076050,3221.631592 1913.322144,3230.356201
	C1918.486084,3233.757080 1920.513428,3237.766846 1918.746338,3243.880371
	C1916.072144,3244.772949 1914.601807,3245.349365 1913.131470,3245.926025
z"/>
<path fill="#22304E" opacity="1.000000" stroke="none"
	d="
M2287.408447,3450.597168
	C2285.884033,3456.238281 2283.173340,3459.738281 2277.372559,3458.533203
	C2247.627930,3452.352783 2217.846924,3446.340820 2188.154053,3439.922363
	C2183.109375,3438.832031 2178.430420,3436.051025 2172.737061,3432.813721
	C2188.029785,3412.178711 2193.016357,3407.925781 2212.809814,3396.865479
	C2237.288574,3414.257080 2262.032715,3431.836914 2287.408447,3450.597168
z"/>
<path fill="#22304E" opacity="1.000000" stroke="none"
	d="
M1923.915527,3326.235352
	C1921.332153,3327.298584 1918.501343,3327.040039 1916.359497,3325.689209
	C1891.160767,3309.796875 1865.493774,3294.634277 1841.455322,3276.928711
	C1836.050781,3272.948242 1830.114868,3269.962891 1828.123047,3261.465332
	C1836.386108,3261.374268 1844.804932,3262.664062 1853.222168,3263.964111
	C1874.557495,3267.259521 1895.891968,3270.559814 1917.288208,3273.867188
	C1925.373291,3290.124268 1923.976562,3307.360840 1923.915527,3326.235352
z"/>
<path fill="#394254" opacity="1.000000" stroke="none"
	d="
M1809.017090,3229.061523
	C1812.722778,3228.652344 1817.451294,3229.298828 1823.335205,3230.816895
	C1819.673706,3231.165039 1814.856934,3230.641113 1809.017090,3229.061523
z"/>
<path fill="#0A204E" opacity="1.000000" stroke="none"
	d="
M1773.068848,3221.321777
	C1775.788574,3220.656982 1779.453125,3221.063232 1784.153564,3222.407471
	C1781.464233,3223.027832 1777.739136,3222.709961 1773.068848,3221.321777
z"/>
<path fill="#A8B4C8" opacity="1.000000" stroke="none"
	d="
M1856.833618,3236.894043
	C1859.231079,3236.413818 1862.726318,3236.642822 1867.145264,3237.843994
	C1864.689697,3238.411865 1861.310547,3238.007568 1856.833618,3236.894043
z"/>
<path fill="#3F485A" opacity="1.000000" stroke="none"
	d="
M1796.686768,3225.817383
	C1798.264648,3225.103027 1800.669312,3225.359375 1803.953979,3226.496094
	C1802.393799,3227.180176 1799.953613,3226.984131 1796.686768,3225.817383
z"/>
<path fill="#BAC5D9" opacity="1.000000" stroke="none"
	d="
M1891.683228,3239.726807
	C1892.927368,3239.662354 1893.919067,3240.234619 1895.341553,3241.619629
	C1895.082520,3242.429688 1894.323975,3242.546387 1892.627686,3241.994385
	C1891.690063,3241.325928 1891.499634,3240.244385 1891.683228,3239.726807
z"/>
<path fill="#081F52" opacity="1.000000" stroke="none"
	d="
M1928.730225,3389.311523
	C1937.135742,3387.078857 1944.505859,3389.841064 1951.617554,3393.782471
	C1982.499023,3410.897217 2015.239502,3424.028076 2047.757935,3437.477783
	C2068.577637,3446.088867 2090.428223,3452.209717 2111.825439,3459.420410
	C2116.229248,3460.904541 2120.672852,3462.269287 2126.612305,3463.878906
	C2125.310303,3466.780273 2122.562256,3469.566650 2119.660889,3472.183350
	C2116.223877,3475.283447 2112.655273,3478.237061 2108.563965,3482.390625
	C2103.941406,3485.708984 2099.784180,3487.706055 2095.886230,3490.121338
	C2091.378906,3492.915039 2087.100342,3496.077393 2079.994141,3499.406738
	C2040.656616,3484.522217 2002.925659,3472.047119 1967.450806,3454.032959
	C1958.731323,3449.605713 1948.909546,3447.349121 1939.594482,3444.094727
	C1937.017334,3433.171631 1934.440186,3422.248535 1931.677734,3409.752441
	C1930.541016,3402.383301 1929.589600,3396.587158 1928.730225,3389.311523
z"/>
<path fill="#09183A" opacity="1.000000" stroke="none"
	d="
M2655.990234,3400.002930
	C2658.035156,3395.541992 2661.274170,3392.343750 2666.330322,3392.237061
	C2674.992676,3392.054443 2679.209717,3387.576904 2680.844238,3379.382568
	C2681.292480,3377.135010 2683.836426,3375.305908 2688.310547,3372.633545
	C2702.104492,3369.506592 2713.298828,3367.907471 2723.852783,3364.387451
	C2752.701660,3354.766357 2781.790527,3346.027832 2809.823486,3333.753174
	C2838.338379,3321.267822 2866.893555,3308.973633 2894.542725,3294.675293
	C2901.572754,3291.040039 2908.471924,3286.914307 2914.696777,3282.070068
	C2917.417725,3279.952881 2918.291748,3275.461914 2920.004395,3272.048828
	C2925.770020,3272.967285 2931.535400,3273.885498 2938.650391,3275.401855
	C2939.999756,3277.775635 2939.999756,3279.551514 2938.485352,3282.669678
	C2931.974854,3285.649170 2926.651855,3286.656250 2922.047852,3289.048096
	C2910.867920,3294.855469 2900.268066,3301.804932 2888.981934,3307.377686
	C2873.517090,3315.013916 2857.315430,3321.186279 2842.000977,3329.092529
	C2816.520264,3342.247559 2789.694336,3351.835205 2762.607422,3360.822510
	C2742.475830,3367.502441 2722.231934,3373.847656 2701.986816,3380.177734
	C2695.258301,3382.281250 2690.009521,3385.366455 2689.439453,3393.098389
	C2701.227539,3403.689941 2712.555176,3413.868164 2724.502930,3425.225586
	C2735.468018,3436.261475 2745.812988,3446.118164 2755.093750,3456.731445
	C2753.272949,3459.972656 2752.515869,3462.457031 2751.758789,3464.941406
	C2748.643311,3463.614502 2745.527832,3462.287842 2741.245117,3460.443359
	C2737.633057,3457.003906 2735.534424,3453.674805 2732.674561,3451.240234
	C2725.384521,3445.034180 2717.754639,3439.228027 2708.498047,3431.453369
	C2699.274170,3423.356689 2692.112061,3416.661621 2684.269043,3410.892090
	C2675.951416,3404.773682 2667.735352,3397.565918 2655.990234,3400.002930
z"/>
<path fill="#0A255B" opacity="1.000000" stroke="none"
	d="
M2752.027100,3466.153320
	C2752.515869,3462.457031 2753.272949,3459.972656 2756.087891,3456.711182
	C2758.145996,3455.934082 2760.137695,3455.892822 2761.291016,3456.548340
	C2773.671387,3466.064209 2784.898193,3474.924316 2797.263672,3484.491699
	C2809.512939,3492.896484 2820.623779,3500.594238 2832.334717,3509.270508
	C2834.395020,3512.040771 2835.855225,3513.832764 2837.315430,3515.624756
	C2834.801758,3516.880371 2832.288330,3518.136230 2828.506836,3520.049805
	C2817.749756,3515.192139 2808.260986,3509.676758 2797.412109,3503.848145
	C2789.611816,3494.591064 2779.268799,3491.007812 2769.492676,3484.393555
	C2762.984619,3478.281738 2757.639893,3472.823486 2752.027100,3466.153320
z"/>
<path fill="#0C2964" opacity="1.000000" stroke="none"
	d="
M1939.372559,3445.160645
	C1948.909546,3447.349121 1958.731323,3449.605713 1967.450806,3454.032959
	C2002.925659,3472.047119 2040.656616,3484.522217 2078.756348,3499.933105
	C2079.095947,3501.906006 2077.945312,3503.679932 2076.361328,3506.410156
	C2064.256592,3514.685059 2052.584473,3522.003418 2040.159058,3530.445557
	C2036.704102,3531.822266 2034.002563,3532.075439 2028.583008,3531.726562
	C2006.034912,3522.558594 1986.325195,3513.692383 1966.283569,3505.653564
	C1961.714844,3503.820801 1955.999146,3504.847412 1950.811401,3504.558105
	C1948.953979,3499.803467 1947.096558,3495.048828 1944.703613,3489.115723
	C1942.490967,3475.798096 1940.814087,3463.658447 1938.680176,3449.857666
	C1938.532227,3447.539795 1938.841309,3446.883057 1939.372559,3445.160645
z"/>
<path fill="#22304E" opacity="1.000000" stroke="none"
	d="
M2655.021484,3400.116699
	C2667.735352,3397.565918 2675.951416,3404.773682 2684.269043,3410.892090
	C2692.112061,3416.661621 2699.274170,3423.356689 2707.301758,3430.865967
	C2688.681885,3436.424316 2669.521484,3440.879395 2650.300537,3445.054932
	C2638.794189,3447.554688 2627.260498,3450.133301 2615.605469,3451.654297
	C2609.937012,3452.393799 2603.962891,3450.788086 2597.048828,3449.056152
	C2598.727051,3445.197510 2601.198242,3442.126465 2604.288574,3439.925049
	C2618.095215,3430.092041 2632.162842,3420.623779 2645.920166,3410.724121
	C2648.387451,3408.948730 2649.839355,3405.762207 2651.946289,3401.900635
	C2652.132324,3400.573975 2654.052734,3400.230469 2655.021484,3400.116699
z"/>
<path fill="#0D327C" opacity="1.000000" stroke="none"
	d="
M1950.992676,3506.163086
	C1955.999146,3504.847412 1961.714844,3503.820801 1966.283569,3505.653564
	C1986.325195,3513.692383 2006.034912,3522.558594 2027.219482,3531.752930
	C2028.045532,3539.528076 2020.847168,3540.611572 2016.529907,3545.957520
	C2007.078735,3551.782715 1998.282227,3556.559570 1988.712402,3562.395508
	C1984.333008,3564.802246 1980.745728,3566.202881 1977.116821,3567.485596
	C1970.666504,3569.765137 1965.754639,3568.232910 1962.133545,3560.499023
	C1958.649536,3548.497070 1956.033325,3537.589600 1952.775635,3525.320312
	C1951.814209,3518.561768 1951.494141,3513.164795 1950.992676,3506.163086
z"/>
<path fill="#0D327C" opacity="1.000000" stroke="none"
	d="
M1943.428711,1389.251709
	C1944.917236,1380.903198 1946.458374,1373.968140 1947.946777,1365.499512
	C1949.515015,1357.123169 1951.136108,1350.280273 1952.866699,1341.926636
	C1955.722534,1330.891479 1958.468628,1321.367065 1961.491821,1310.337402
	C1969.642456,1298.185669 1969.642456,1298.185669 1986.309326,1305.031982
	C1996.140869,1310.657349 2004.569580,1315.801758 2014.352173,1321.489380
	C2024.221802,1327.942139 2032.737549,1333.851440 2042.593750,1340.061035
	C2048.935303,1344.560669 2053.936279,1348.760132 2059.094482,1355.313232
	C2057.927490,1360.074219 2056.603516,1362.481567 2053.965332,1364.526855
	C2047.742554,1361.365723 2042.966431,1358.288940 2037.881714,1355.858032
	C2034.044556,1354.023682 2029.812134,1353.015625 2025.119995,1350.354492
	C2013.028442,1337.854858 1999.478760,1329.649414 1985.324219,1322.466919
	C1982.246948,1320.905396 1978.191406,1321.271606 1973.997559,1320.664673
	C1969.603882,1338.515259 1963.546753,1354.677368 1962.950439,1373.492065
	C1959.502808,1385.742432 1955.540283,1396.435669 1955.098633,1408.042480
	C1954.139038,1408.117065 1952.225098,1408.324829 1951.473877,1407.284912
	C1947.493896,1405.608887 1944.265137,1404.972778 1941.036377,1404.336792
	C1941.851318,1399.779541 1942.666382,1395.222412 1943.428711,1389.251709
z"/>
<path fill="#0A204E" opacity="1.000000" stroke="none"
	d="
M2055.279541,1364.889038
	C2056.603516,1362.481567 2057.927490,1360.074219 2059.758545,1356.371582
	C2064.649414,1357.874756 2069.033203,1360.673096 2074.706055,1363.784912
	C2077.067139,1365.732422 2077.771240,1367.931152 2079.271484,1368.909180
	C2089.166748,1375.360962 2099.233643,1381.550049 2110.607422,1388.174194
	C2116.613281,1397.650879 2126.642090,1400.450073 2134.740723,1407.480347
	C2137.023926,1409.984253 2138.129150,1411.908813 2139.697266,1414.843750
	C2138.037842,1416.993530 2135.915039,1418.132935 2131.304443,1419.685181
	C2126.058350,1420.012573 2123.300049,1419.927246 2120.153076,1418.519775
	C2108.568848,1406.604736 2097.353516,1396.036499 2082.643799,1387.724609
	C2072.920898,1380.742310 2064.364014,1374.408325 2055.707031,1367.272705
	C2055.607422,1366.471069 2055.279541,1364.889038 2055.279541,1364.889038
z"/>
<path fill="#030715" opacity="1.000000" stroke="none"
	d="
M2217.268066,1504.746582
	C2218.335693,1506.453125 2217.413086,1507.828125 2215.018799,1511.082397
	C2206.653320,1519.592896 2198.678955,1525.315186 2193.975586,1535.439453
	C2185.704590,1546.687134 2178.636719,1557.295532 2170.486572,1568.550171
	C2167.317383,1573.736084 2165.230225,1578.275879 2162.076172,1583.763184
	C2155.652588,1595.942017 2150.530518,1607.253052 2148.499512,1621.250122
	C2146.925537,1629.737915 2145.919189,1636.784546 2144.525879,1645.517578
	C2144.266357,1654.096558 2144.393555,1660.989258 2144.305176,1669.480957
	C2145.466064,1679.358032 2146.842529,1687.636108 2147.916504,1697.299072
	C2146.434082,1701.021973 2145.720215,1703.802490 2143.992920,1705.620361
	C2136.988525,1712.993530 2132.823975,1713.290405 2125.237305,1707.420532
	C2122.117188,1705.006714 2119.141846,1702.405762 2115.571777,1698.727173
	C2112.395508,1693.889648 2110.054199,1689.932739 2107.005371,1686.628296
	C2104.505615,1683.919434 2101.164551,1681.987305 2097.573486,1678.438721
	C2091.648682,1669.397217 2084.240967,1664.168213 2075.316406,1658.785522
	C2068.407471,1654.405151 2062.252930,1651.097656 2055.213379,1646.827148
	C2048.608887,1643.689697 2042.889404,1641.515137 2036.481934,1638.517456
	C2034.442505,1637.422974 2033.090942,1637.151733 2030.369385,1636.350952
	C2023.323730,1634.605957 2017.648071,1633.390503 2011.281250,1631.763184
	C2010.590088,1631.351318 2008.983521,1631.259277 2008.094604,1630.372070
	C2004.769897,1629.252930 2002.333984,1629.020996 1998.446533,1628.417725
	C1994.056519,1627.484985 1991.118042,1626.923828 1987.480713,1625.626221
	C1985.470337,1624.886841 1984.158813,1624.883911 1981.482910,1624.814941
	C1977.430176,1624.315186 1974.741821,1623.881348 1972.069092,1622.036743
	C1972.052368,1616.390015 1973.756226,1613.285034 1977.582642,1611.171753
	C1981.895142,1608.789673 1983.906372,1604.868652 1985.750244,1599.966309
	C1995.670898,1600.015259 2003.840698,1600.057129 2012.972412,1601.205566
	C2021.485962,1604.468750 2029.362793,1605.869019 2036.519531,1608.944580
	C2049.927734,1614.706909 2062.391357,1611.286133 2074.758789,1606.386719
	C2090.635010,1600.097168 2106.311279,1593.302612 2122.087158,1586.758911
	C2127.099609,1584.680054 2131.027832,1581.664185 2133.693115,1576.657227
	C2139.557617,1565.640381 2145.864014,1554.858398 2152.580566,1542.779053
	C2156.550781,1537.504150 2160.347168,1533.703247 2163.226074,1529.302002
	C2169.847168,1519.179077 2178.150146,1510.824951 2187.970703,1503.882812
	C2197.072998,1504.060181 2206.175537,1504.237549 2217.268066,1504.746582
z"/>
<path fill="#1C2844" opacity="1.000000" stroke="none"
	d="
M2160.097900,1451.986694
	C2163.114746,1453.138672 2166.804688,1453.551514 2169.026855,1455.575928
	C2176.845459,1462.699585 2184.361328,1470.188110 2191.600830,1477.905273
	C2197.183594,1483.856323 2196.826904,1485.416382 2187.603760,1495.368896
	C2180.246582,1496.785522 2175.562256,1497.049438 2171.233398,1498.429810
	C2154.914307,1503.633545 2138.788330,1509.445190 2122.449707,1514.582764
	C2082.617676,1527.107666 2044.445312,1543.572266 2007.234253,1562.388672
	C1993.641113,1569.262207 1980.061646,1576.167725 1966.359497,1582.818970
	C1960.653320,1585.588745 1956.084351,1588.891968 1954.428101,1595.918213
	C1946.854736,1596.459229 1941.192993,1595.221436 1936.061523,1589.999512
	C1936.052979,1578.415527 1936.212524,1568.645996 1935.971313,1558.886597
	C1935.807129,1552.240356 1936.570923,1545.915771 1941.437012,1540.029663
	C1949.726440,1537.438599 1956.703613,1535.320801 1963.229492,1532.245483
	C1979.469238,1524.592529 1995.271240,1515.977295 2011.680908,1508.726440
	C2031.071167,1500.158447 2051.313477,1493.459839 2070.456055,1484.406494
	C2091.608154,1474.402588 2113.948486,1468.039062 2136.037354,1461.023438
	C2144.287842,1458.403076 2152.333252,1455.698730 2160.097900,1451.986694
z"/>
<path fill="#293859" opacity="1.000000" stroke="none"
	d="
M2159.475586,1450.799561
	C2152.333252,1455.698730 2144.287842,1458.403076 2136.037354,1461.023438
	C2113.948486,1468.039062 2091.608154,1474.402588 2070.456055,1484.406494
	C2051.313477,1493.459839 2031.071167,1500.158447 2011.680908,1508.726440
	C1995.271240,1515.977295 1979.469238,1524.592529 1963.229492,1532.245483
	C1956.703613,1535.320801 1949.726440,1537.438599 1941.450317,1538.190186
	C1939.958984,1522.938477 1939.972168,1509.488770 1940.413574,1495.168457
	C1941.590332,1493.176514 1942.605469,1492.406616 1945.342896,1491.852173
	C1951.041992,1489.897461 1955.383057,1488.275391 1959.513062,1486.227783
	C1989.116333,1471.551514 2018.893066,1457.378662 2050.218994,1446.536133
	C2073.902588,1438.338745 2097.118164,1428.789551 2120.541992,1419.841919
	C2123.300049,1419.927246 2126.058350,1420.012573 2130.184082,1420.123535
	C2133.226807,1422.783081 2134.509766,1425.802124 2136.648926,1427.980713
	C2143.886475,1435.351929 2151.427734,1442.425293 2159.475586,1450.799561
z"/>
<path fill="#111A31" opacity="1.000000" stroke="none"
	d="
M1955.910034,1595.902832
	C1956.084351,1588.891968 1960.653320,1585.588745 1966.359497,1582.818970
	C1980.061646,1576.167725 1993.641113,1569.262207 2007.234253,1562.388672
	C2044.445312,1543.572266 2082.617676,1527.107666 2122.449707,1514.582764
	C2138.788330,1509.445190 2154.914307,1503.633545 2171.233398,1498.429810
	C2175.562256,1497.049438 2180.246582,1496.785522 2186.393799,1496.009277
	C2188.010254,1497.760376 2188.000732,1499.510986 2187.980957,1502.572266
	C2178.150146,1510.824951 2169.847168,1519.179077 2163.226074,1529.302002
	C2160.347168,1533.703247 2156.550781,1537.504150 2150.930420,1542.783691
	C2144.708252,1544.157593 2140.468994,1543.500000 2136.793213,1544.647583
	C2125.459717,1548.186157 2114.239502,1552.150635 2103.165283,1556.439941
	C2088.958008,1561.942871 2074.573486,1567.184692 2060.925537,1573.884644
	C2044.335815,1582.028564 2026.774780,1588.505737 2012.010620,1600.098877
	C2003.840698,1600.057129 1995.670898,1600.015259 1984.664062,1598.830566
	C1973.187988,1597.092651 1964.549072,1596.497803 1955.910034,1595.902832
z"/>
<path fill="#22304E" opacity="1.000000" stroke="none"
	d="
M2168.613281,1437.191895
	C2200.772949,1425.040649 2235.005615,1420.458130 2268.524902,1412.828491
	C2273.999023,1411.582520 2280.189209,1413.482544 2287.075928,1415.156494
	C2285.257812,1419.027222 2282.683105,1422.061890 2279.521973,1424.248535
	C2260.018311,1437.739746 2239.760986,1450.143311 2222.658203,1466.920410
	C2215.072021,1474.362305 2208.695801,1473.618286 2200.126221,1466.018555
	C2189.786133,1456.848389 2179.508057,1447.608276 2168.613281,1437.191895
z"/>
<path fill="#0A204E" opacity="1.000000" stroke="none"
	d="
M1943.887085,1491.987915
	C1942.605469,1492.406616 1941.590332,1493.176514 1938.924072,1495.155640
	C1934.027832,1496.018677 1931.049561,1496.023926 1928.071289,1496.029297
	C1926.860596,1484.782959 1929.637817,1473.983643 1931.628418,1461.468994
	C1933.153320,1447.758789 1934.811646,1435.691040 1936.492188,1421.937134
	C1937.811401,1415.870972 1939.108276,1411.490845 1940.720825,1405.723633
	C1944.265137,1404.972778 1947.493896,1405.608887 1951.421997,1408.934082
	C1950.863525,1422.369751 1949.605591,1433.116089 1948.159546,1445.557617
	C1945.231445,1462.038574 1942.941650,1476.865601 1943.887085,1491.987915
z"/>
<path fill="#0A255B" opacity="1.000000" stroke="none"
	d="
M1385.530518,2927.267578
	C1383.960571,2923.916504 1383.968750,2920.944580 1385.642944,2916.696289
	C1392.876465,2915.645508 1398.444214,2915.871582 1405.148193,2917.193359
	C1420.157349,2920.140625 1434.030151,2921.991943 1449.507812,2924.131348
	C1456.897217,2925.587402 1462.645630,2926.996338 1468.474365,2927.866943
	C1477.551880,2929.222900 1486.683960,2930.212891 1495.856934,2931.542725
	C1495.920898,2931.727295 1496.020874,2932.104492 1496.020874,2932.104492
	C1496.008789,2935.087646 1495.996826,2938.070801 1495.989502,2942.546387
	C1486.147461,2944.320312 1476.329590,2944.350342 1465.329590,2940.774902
	C1451.584351,2939.225586 1439.447388,2937.587891 1425.642578,2936.032227
	C1411.685913,2933.291992 1399.397217,2930.469482 1385.530518,2927.267578
z"/>
<path fill="#1C2844" opacity="1.000000" stroke="none"
	d="
M1455.919922,2711.867920
	C1467.146240,2700.302246 1478.372559,2688.736328 1491.863281,2677.063965
	C1496.114502,2679.281006 1498.101440,2681.604736 1500.084106,2685.526855
	C1501.822754,2694.822754 1502.971191,2702.713867 1505.404663,2710.186279
	C1521.767334,2760.430176 1539.200806,2810.274170 1562.874634,2857.675293
	C1570.859009,2873.662354 1578.977539,2889.583984 1586.813721,2905.643066
	C1589.594360,2911.341553 1592.891357,2915.903320 1599.900635,2917.737305
	C1599.848022,2924.848389 1599.784058,2930.314209 1599.720093,2935.780273
	C1583.657715,2935.825439 1567.595215,2935.870605 1549.727539,2934.296631
	C1548.763916,2924.927979 1545.519775,2918.470947 1541.677246,2912.098633
	C1537.224243,2904.714111 1532.469360,2897.426758 1528.881470,2889.621094
	C1517.266357,2864.350342 1505.212280,2839.219971 1495.059326,2813.355713
	C1484.897827,2787.469482 1476.738403,2760.792725 1467.874268,2734.404541
	C1465.114868,2726.189697 1462.296997,2718.114014 1455.919922,2711.867920
z"/>
<path fill="#060D1F" opacity="1.000000" stroke="none"
	d="
M1500.088379,2683.928223
	C1498.101440,2681.604736 1496.114502,2679.281006 1493.059814,2676.488525
	C1489.843262,2665.071533 1487.694702,2654.123291 1485.346680,2642.159668
	C1487.842896,2641.446045 1490.236816,2640.761719 1494.717651,2641.145020
	C1499.450562,2644.129883 1502.096558,2646.047119 1504.876953,2649.322754
	C1510.838379,2654.949707 1516.665649,2659.218262 1522.877197,2664.595459
	C1527.490356,2669.146484 1531.719116,2672.588867 1536.459717,2677.184570
	C1541.753052,2681.684082 1546.534546,2685.030273 1551.927979,2689.481445
	C1556.341431,2693.797363 1560.143066,2697.008301 1563.361206,2701.525146
	C1562.082642,2705.990234 1560.316528,2709.356201 1560.879028,2712.273193
	C1563.261719,2724.630615 1569.625610,2733.429443 1581.774658,2739.265869
	C1609.329468,2752.503174 1608.815186,2753.181885 1620.478271,2780.743896
	C1624.887207,2791.163086 1625.092651,2801.360840 1621.965576,2811.828369
	C1618.753540,2822.580322 1615.155640,2833.216797 1611.911865,2843.325928
	C1615.745483,2849.360107 1618.393066,2854.900635 1622.352051,2859.246826
	C1624.751343,2861.881348 1629.180054,2862.666992 1632.767822,2865.987793
	C1631.994141,2875.579346 1631.150024,2883.466309 1629.700684,2892.835205
	C1628.880859,2904.224609 1628.666016,2914.132324 1628.118164,2925.881836
	C1627.818481,2936.573486 1627.852051,2945.422607 1627.885742,2954.271973
	C1622.343018,2960.244629 1619.277344,2961.235596 1615.491333,2956.975342
	C1610.259277,2951.088135 1605.800781,2944.513916 1600.365479,2937.007080
	C1599.784058,2930.314209 1599.848022,2924.848389 1599.951904,2915.953125
	C1600.342896,2903.323486 1600.414185,2894.285645 1602.541260,2885.031250
	C1604.532837,2876.366455 1604.521118,2866.205078 1601.922607,2857.771240
	C1598.286621,2845.970215 1591.366577,2835.192139 1585.970703,2823.919678
	C1574.557739,2800.077881 1563.944458,2775.910156 1556.119995,2750.599365
	C1553.584595,2742.397217 1550.908447,2734.227539 1547.921509,2726.182373
	C1546.820801,2723.217041 1545.134644,2720.123779 1542.864258,2717.998291
	C1533.240479,2708.987793 1523.225464,2700.396973 1513.505005,2691.487549
	C1509.572510,2687.883057 1505.999634,2683.905518 1500.088379,2683.928223
z"/>
<path fill="#293859" opacity="1.000000" stroke="none"
	d="
M1454.734131,2712.504395
	C1462.296997,2718.114014 1465.114868,2726.189697 1467.874268,2734.404541
	C1476.738403,2760.792725 1484.897827,2787.469482 1495.059326,2813.355713
	C1505.212280,2839.219971 1517.266357,2864.350342 1528.881470,2889.621094
	C1532.469360,2897.426758 1537.224243,2904.714111 1541.677246,2912.098633
	C1545.519775,2918.470947 1548.763916,2924.927979 1547.867920,2934.212402
	C1540.772827,2935.017090 1533.744385,2934.118652 1526.688354,2933.598633
	C1517.663940,2932.933350 1508.617188,2932.572998 1497.800537,2932.092773
	C1496.020874,2932.104492 1495.920898,2931.727295 1495.914917,2930.041504
	C1494.759033,2923.254639 1494.340454,2917.842285 1492.324341,2913.110107
	C1485.826782,2897.860596 1479.074341,2882.698975 1471.811035,2867.800537
	C1457.246948,2837.926758 1445.355591,2807.035889 1435.304565,2775.392334
	C1433.501465,2769.715820 1431.219116,2764.189941 1429.107544,2758.613525
	C1427.534790,2754.460449 1424.423950,2752.337891 1420.039795,2752.000000
	C1429.838013,2737.864502 1440.405884,2724.392578 1454.734131,2712.504395
z"/>
<path fill="#BAC5D9" opacity="1.000000" stroke="none"
	d="
M1628.208862,2953.982422
	C1627.852051,2945.422607 1627.818481,2936.573486 1629.545654,2925.905762
	C1635.686401,2924.035645 1638.623291,2926.003662 1640.962158,2929.804688
	C1648.248413,2941.645264 1655.261719,2953.719238 1663.437622,2964.932129
	C1677.066528,2983.623291 1691.775269,3001.524414 1705.548340,3020.114502
	C1720.565063,3040.383057 1736.875122,3059.443604 1754.960205,3077.034668
	C1768.300171,3090.010498 1781.689941,3102.969971 1794.390503,3116.559814
	C1815.756470,3139.420898 1840.500854,3158.443848 1864.861206,3177.674561
	C1890.253418,3197.720459 1916.206055,3217.374023 1945.053589,3232.572266
	C1949.559204,3234.946045 1951.874634,3238.719727 1950.224243,3244.165527
	C1938.963379,3244.190186 1929.456787,3243.877197 1919.950195,3243.564209
	C1920.513428,3237.766846 1918.486084,3233.757080 1913.322144,3230.356201
	C1900.076050,3221.631592 1887.235107,3212.287598 1874.302979,3203.091797
	C1858.673950,3191.977539 1843.747192,3180.029785 1828.925659,3167.808594
	C1805.395996,3148.406494 1782.819214,3127.873535 1761.360474,3106.494873
	C1733.331787,3078.569580 1707.259399,3048.523682 1684.033691,3016.230713
	C1670.146606,2996.922119 1655.701294,2978.015381 1641.575439,2958.877441
	C1639.166626,2955.614014 1637.002197,2952.249023 1630.677490,2952.911621
	C1629.143311,2953.076660 1628.531982,2953.692871 1628.208862,2953.982422
z"/>
<path fill="#22304E" opacity="1.000000" stroke="none"
	d="
M1612.144531,3046.192383
	C1607.054443,3047.960205 1603.447388,3045.651367 1600.684692,3041.361328
	C1584.208008,3015.776123 1567.474976,2990.354004 1551.249878,2964.611084
	C1548.958618,2960.975586 1548.972046,2955.887207 1547.855713,2949.972168
	C1560.063110,2951.592529 1572.550171,2952.072998 1585.157837,2952.200195
	C1596.433716,2952.313721 1598.209717,2954.924561 1600.033936,2966.368408
	C1603.455322,2987.831299 1604.963257,3009.612793 1610.896973,3030.677246
	C1612.129761,3035.052734 1611.760864,3039.879395 1612.144531,3046.192383
z"/>
<path fill="#536A99" opacity="1.000000" stroke="none"
	d="
M1404.011963,2916.097412
	C1398.444214,2915.871582 1392.876465,2915.645508 1385.641235,2915.200928
	C1376.564453,2912.691406 1369.233032,2910.097168 1361.729126,2908.176514
	C1348.515869,2904.794189 1335.197266,2901.822998 1321.017334,2898.465088
	C1323.751587,2886.111328 1332.314209,2878.324463 1337.561646,2868.818359
	C1342.616943,2859.660156 1348.835571,2851.144043 1354.906006,2841.053223
	C1357.435913,2836.218506 1359.602783,2832.676514 1364.083496,2829.149414
	C1369.550293,2833.202393 1373.698242,2836.805664 1375.685181,2841.353271
	C1384.570190,2861.688721 1392.969238,2882.240723 1401.220703,2902.844238
	C1402.874146,2906.972412 1403.118042,2911.665039 1404.011963,2916.097412
z"/>
<path fill="#03091E" opacity="1.000000" stroke="none"
	d="
M1498.029053,2228.325928
	C1493.289185,2211.574707 1497.923462,2195.692871 1502.089600,2179.612793
	C1513.223755,2136.638184 1530.261963,2095.717773 1545.225098,2054.075439
	C1546.562744,2050.353027 1548.588501,2046.872192 1550.364380,2043.314087
	C1564.240601,2015.512451 1577.971191,1987.636230 1592.105103,1959.966187
	C1597.511963,1949.381104 1603.635376,1939.139526 1609.859741,1929.003906
	C1613.047974,1923.812012 1617.542603,1919.798706 1626.086426,1921.750610
	C1628.117065,1930.253174 1628.439331,1937.089111 1628.370239,1945.603394
	C1628.400024,1958.302246 1627.065796,1969.506714 1631.159546,1981.713623
	C1632.619019,1991.537720 1634.336426,1999.763916 1635.861816,2009.321777
	C1635.637695,2012.441772 1635.605591,2014.229980 1634.102295,2016.039551
	C1626.677246,2015.923462 1622.460693,2018.610474 1620.069702,2024.016357
	C1615.526978,2034.288086 1611.355469,2044.733887 1606.521484,2054.864746
	C1592.263062,2084.747559 1580.702026,2115.653564 1570.154297,2147.008545
	C1567.956909,2153.541016 1569.034180,2158.532715 1571.836914,2164.659668
	C1571.680176,2165.410889 1571.609131,2166.943848 1570.293945,2167.259277
	C1563.452148,2171.775391 1557.925537,2175.976318 1551.232666,2180.460938
	C1546.558472,2183.938232 1543.050537,2187.131836 1538.376465,2190.828369
	C1532.526978,2195.912842 1527.843506,2200.494141 1521.860596,2205.650879
	C1517.694214,2208.691406 1514.827393,2211.156494 1510.676025,2213.832764
	C1507.788452,2220.542480 1502.843872,2224.382568 1498.029053,2228.325928
z"/>
<path fill="#051841" opacity="1.000000" stroke="none"
	d="
M1491.005859,1924.113403
	C1500.574219,1923.365723 1509.181152,1922.834229 1520.595459,1921.233643
	C1528.955566,1920.223999 1534.508057,1920.283447 1540.060669,1920.342773
	C1540.535400,1930.984131 1534.775024,1939.431763 1529.586060,1947.757812
	C1519.039062,1964.680664 1510.101929,1982.281982 1503.146484,2000.980835
	C1499.232300,2011.503784 1494.632935,2021.797729 1489.874146,2031.976074
	C1474.139282,2065.630127 1462.864746,2100.917480 1451.529541,2136.174072
	C1448.510620,2145.564209 1446.516235,2155.283691 1444.012817,2166.447754
	C1435.727173,2158.810547 1427.480103,2149.577148 1417.966797,2140.105469
	C1414.154541,2135.335938 1411.608521,2130.804688 1409.151611,2123.767090
	C1412.702148,2112.688477 1416.461304,2104.222168 1419.558472,2095.520508
	C1424.878174,2080.574219 1428.867676,2065.090088 1435.067139,2050.535156
	C1445.944946,2024.996826 1455.146362,1998.727295 1468.573853,1974.253906
	C1474.911865,1962.702271 1479.682495,1950.265991 1484.767700,1938.065552
	C1486.506714,1933.892822 1487.039185,1929.217163 1488.122925,1924.771362
	C1488.122925,1924.771362 1490.044189,1924.329712 1491.005859,1924.113403
z"/>
<path fill="#C9D6E9" opacity="1.000000" stroke="none"
	d="
M1875.611328,1631.594727
	C1880.236450,1630.114868 1886.340576,1628.885620 1895.730835,1627.994141
	C1906.014526,1628.217285 1913.011963,1628.102539 1919.864380,1629.388672
	C1917.880127,1637.915527 1912.506958,1641.594116 1906.422852,1644.739868
	C1902.299683,1646.871948 1897.886475,1648.846802 1894.467041,1651.869385
	C1876.048584,1668.150757 1854.682861,1680.441528 1836.098511,1696.724976
	C1815.147461,1715.082031 1793.026733,1732.085571 1773.656860,1752.257935
	C1764.425537,1761.871826 1754.562256,1770.886597 1745.478882,1780.632935
	C1732.354492,1794.715088 1719.425171,1808.998047 1706.899414,1823.612549
	C1698.291870,1833.655273 1690.274292,1844.231323 1682.411621,1854.878052
	C1669.407227,1872.487549 1656.450928,1890.148315 1644.100464,1908.215454
	C1640.170410,1913.964722 1635.714722,1916.328369 1629.202271,1915.906860
	C1629.931152,1906.277222 1630.660034,1896.647461 1631.932007,1885.489014
	C1638.822266,1884.300903 1644.117676,1882.952271 1647.645264,1876.781494
	C1661.854614,1851.925293 1681.830078,1831.295898 1698.358765,1808.130615
	C1699.127808,1807.052734 1700.066650,1806.089478 1700.975952,1805.119263
	C1721.396484,1783.328003 1741.175049,1760.882935 1762.459473,1739.970459
	C1778.948975,1723.769165 1797.887085,1710.083618 1814.720825,1694.202759
	C1836.957520,1673.224609 1863.350586,1657.577148 1885.938721,1637.502319
	C1885.606323,1630.842163 1880.499634,1632.773560 1875.611328,1631.594727
z"/>
<path fill="#BCC8DC" opacity="1.000000" stroke="none"
	d="
M1628.734131,1916.946533
	C1635.714722,1916.328369 1640.170410,1913.964722 1644.100464,1908.215454
	C1656.450928,1890.148315 1669.407227,1872.487549 1682.411621,1854.878052
	C1690.274292,1844.231323 1698.291870,1833.655273 1706.899414,1823.612549
	C1719.425171,1808.998047 1732.354492,1794.715088 1745.478882,1780.632935
	C1754.562256,1770.886597 1764.425537,1761.871826 1773.656860,1752.257935
	C1793.026733,1732.085571 1815.147461,1715.082031 1836.098511,1696.724976
	C1854.682861,1680.441528 1876.048584,1668.150757 1894.467041,1651.869385
	C1897.886475,1648.846802 1902.299683,1646.871948 1906.422852,1644.739868
	C1912.506958,1641.594116 1917.880127,1637.915527 1920.987061,1629.173706
	C1924.206055,1626.538208 1926.157471,1625.518311 1929.756104,1624.306885
	C1936.907593,1624.375366 1942.411865,1624.635376 1947.889282,1626.319336
	C1947.895264,1631.949951 1946.726318,1635.697144 1943.061523,1638.082886
	C1936.964478,1642.052490 1930.653442,1645.695679 1924.590088,1649.714233
	C1911.955566,1658.088135 1899.190430,1666.293823 1886.909302,1675.164429
	C1871.399048,1686.367432 1856.012085,1697.786255 1841.142212,1709.816895
	C1827.794434,1720.616211 1815.025391,1732.159180 1802.368530,1743.774658
	C1793.573242,1751.846313 1785.532471,1760.733276 1776.924072,1769.016602
	C1749.700928,1795.212402 1724.204346,1822.965576 1701.190308,1852.939453
	C1691.141846,1866.026611 1681.285156,1879.275879 1671.777100,1892.758789
	C1661.119263,1907.871582 1650.771240,1923.212646 1640.684814,1938.712402
	C1637.587402,1943.472046 1633.515625,1943.988403 1628.761719,1943.925049
	C1628.439331,1937.089111 1628.117065,1930.253174 1627.524414,1921.723633
	C1627.591309,1919.348755 1627.928711,1918.667603 1628.734131,1916.946533
z"/>
<path fill="#C9D6E9" opacity="1.000000" stroke="none"
	d="
M1496.111328,2635.954590
	C1490.900024,2630.178711 1485.688843,2624.403076 1480.170898,2617.350586
	C1486.404785,2610.102051 1484.226929,2602.526611 1483.098633,2595.527344
	C1480.261108,2577.925537 1478.121094,2560.204590 1475.400391,2542.642578
	C1472.316772,2522.739258 1472.347900,2503.003174 1471.866821,2483.126953
	C1471.771973,2479.213379 1470.803223,2475.244873 1469.728027,2471.446045
	C1467.309082,2462.898926 1466.848022,2454.211426 1469.519043,2445.876953
	C1472.075317,2437.900146 1472.363770,2430.504150 1469.675171,2422.506592
	C1468.255981,2418.285156 1467.434082,2412.883057 1468.824951,2408.875732
	C1473.581909,2395.170410 1471.460938,2381.181396 1471.970947,2367.309814
	C1472.360229,2356.723633 1470.906250,2346.008057 1475.214600,2335.763916
	C1476.193970,2333.435059 1475.931763,2330.510986 1475.941650,2327.859619
	C1476.010620,2309.232666 1479.184692,2291.013184 1483.162231,2272.912109
	C1484.381958,2267.362061 1483.439209,2262.368408 1479.964600,2256.066895
	C1483.694092,2248.523926 1488.051147,2242.511475 1494.818115,2236.799072
	C1497.904053,2240.848633 1500.073364,2245.097168 1499.014404,2248.267334
	C1492.036987,2269.152832 1491.516113,2291.136719 1488.757446,2312.558838
	C1486.248535,2332.042236 1481.528931,2351.659668 1483.913818,2371.679443
	C1484.221191,2374.260010 1484.226196,2377.220947 1483.265381,2379.549316
	C1478.783813,2390.409424 1480.182373,2401.749268 1480.048950,2412.956787
	C1479.914795,2424.233887 1480.710327,2435.564453 1479.882446,2446.781982
	C1477.870605,2474.038330 1486.092041,2500.679688 1484.231445,2527.886719
	C1484.100342,2529.803467 1484.946289,2531.772217 1485.210449,2533.733887
	C1486.174805,2540.896729 1487.181396,2548.056152 1487.980957,2555.238037
	C1488.492432,2559.832275 1488.209595,2564.551758 1489.074707,2569.063232
	C1492.420288,2586.509766 1496.252197,2603.863525 1499.524048,2621.322754
	C1500.480347,2626.426514 1501.214722,2632.014404 1496.111328,2635.954590
z"/>
<path fill="#BFCBDF" opacity="1.000000" stroke="none"
	d="
M1496.117432,2636.990723
	C1501.214722,2632.014404 1500.480347,2626.426514 1499.524048,2621.322754
	C1496.252197,2603.863525 1492.420288,2586.509766 1489.074707,2569.063232
	C1488.209595,2564.551758 1488.492432,2559.832275 1487.980957,2555.238037
	C1487.181396,2548.056152 1486.174805,2540.896729 1485.210449,2533.733887
	C1484.946289,2531.772217 1484.100342,2529.803467 1484.231445,2527.886719
	C1486.092041,2500.679688 1477.870605,2474.038330 1479.882446,2446.781982
	C1480.710327,2435.564453 1479.914795,2424.233887 1480.048950,2412.956787
	C1480.182373,2401.749268 1478.783813,2390.409424 1483.265381,2379.549316
	C1484.226196,2377.220947 1484.221191,2374.260010 1483.913818,2371.679443
	C1481.528931,2351.659668 1486.248535,2332.042236 1488.757446,2312.558838
	C1491.516113,2291.136719 1492.036987,2269.152832 1499.014404,2248.267334
	C1500.073364,2245.097168 1497.904053,2240.848633 1495.910767,2236.178711
	C1495.539551,2233.570068 1496.485718,2231.881348 1497.730469,2229.259277
	C1502.843872,2224.382568 1507.788452,2220.542480 1510.653931,2215.513672
	C1511.956177,2228.261963 1511.780273,2239.297607 1508.487183,2250.474854
	C1501.564087,2273.971924 1500.172729,2298.574219 1496.504639,2322.702148
	C1493.827637,2340.311035 1493.257812,2358.253906 1492.082764,2376.069824
	C1491.601929,2383.361328 1492.093506,2390.712402 1491.977417,2398.033691
	C1491.819824,2407.955322 1491.903809,2417.704834 1489.235596,2427.645996
	C1487.278076,2434.939209 1489.211426,2443.344482 1489.784424,2451.227051
	C1490.214233,2457.139893 1491.652954,2462.990479 1491.921997,2468.901611
	C1492.824707,2488.731934 1489.668823,2508.808350 1495.780518,2528.324951
	C1496.354126,2530.156494 1496.003418,2532.296143 1495.984253,2534.291992
	C1495.766479,2556.966797 1500.623657,2578.959717 1504.841064,2601.049072
	C1507.312378,2613.993652 1509.678711,2626.964600 1511.699097,2639.984619
	C1512.436157,2644.733887 1509.289185,2647.236328 1504.742432,2647.964355
	C1502.096558,2646.047119 1499.450562,2644.129883 1496.147095,2641.106445
	C1495.700684,2639.342041 1495.911987,2638.684326 1496.117432,2636.990723
z"/>
<path fill="#2D3C5E" opacity="1.000000" stroke="none"
	d="
M1541.365479,1920.213867
	C1534.508057,1920.283447 1528.955566,1920.223999 1521.740845,1920.163818
	C1524.179565,1910.532104 1527.059937,1900.124634 1532.603516,1891.411743
	C1551.284424,1862.051025 1570.748413,1833.182007 1590.281494,1804.374756
	C1595.785278,1796.258057 1602.227051,1788.698486 1608.874878,1781.468628
	C1612.302002,1777.741577 1617.126709,1775.299805 1622.721558,1772.167969
	C1623.873535,1789.239258 1617.306274,1804.921387 1610.890137,1822.661743
	C1606.645996,1826.078735 1603.256958,1827.305542 1601.511475,1829.720581
	C1583.150879,1855.123291 1565.981934,1881.327881 1550.330200,1908.486938
	C1548.498169,1911.666138 1548.666504,1915.997925 1547.907471,1919.795410
	C1546.161743,1919.891846 1544.415894,1919.988281 1541.365479,1920.213867
z"/>
<path fill="#22304E" opacity="1.000000" stroke="none"
	d="
M1425.226562,2279.256104
	C1417.134155,2273.602051 1419.333740,2265.053711 1420.631836,2257.833740
	C1425.245361,2232.172852 1430.887451,2206.692383 1436.480103,2181.218018
	C1437.116089,2178.320557 1439.902222,2175.895508 1443.068115,2172.578125
	C1453.440674,2180.510498 1462.769897,2188.800293 1471.324707,2197.823975
	C1477.962524,2204.825684 1477.199219,2210.702637 1471.060303,2218.786621
	C1456.020142,2238.591309 1441.205322,2258.566895 1425.226562,2279.256104
z"/>
<path fill="#22304E" opacity="1.000000" stroke="none"
	d="
M1549.663330,1919.880615
	C1548.666504,1915.997925 1548.498169,1911.666138 1550.330200,1908.486938
	C1565.981934,1881.327881 1583.150879,1855.123291 1601.511475,1829.720581
	C1603.256958,1827.305542 1606.645996,1826.078735 1610.676636,1824.173096
	C1613.354736,1834.147217 1609.684082,1843.567383 1608.091064,1853.278931
	C1604.808594,1873.287231 1601.647217,1893.315552 1598.247925,1914.508057
	C1582.281128,1915.183838 1567.295410,1920.635986 1549.663330,1919.880615
z"/>
<path fill="#081F52" opacity="1.000000" stroke="none"
	d="
M1486.556641,1924.710693
	C1487.039185,1929.217163 1486.506714,1933.892822 1484.767700,1938.065552
	C1479.682495,1950.265991 1474.911865,1962.702271 1468.573853,1974.253906
	C1455.146362,1998.727295 1445.944946,2024.996826 1435.067139,2050.535156
	C1428.867676,2065.090088 1424.878174,2080.574219 1419.558472,2095.520508
	C1416.461304,2104.222168 1412.702148,2112.688477 1408.671875,2122.565918
	C1403.551270,2118.899170 1398.999756,2113.927002 1393.316162,2108.337158
	C1387.089111,2099.396973 1381.993896,2091.074463 1376.570557,2080.026123
	C1378.756226,2071.170410 1381.532593,2065.133545 1383.740112,2058.895508
	C1396.353149,2023.252930 1409.481201,1987.830811 1426.939331,1954.189331
	C1430.018188,1948.256470 1433.005005,1942.285645 1431.570312,1935.242432
	C1434.477783,1934.158813 1437.318359,1932.814453 1440.307251,1932.047607
	C1445.819214,1930.633057 1451.418335,1929.557617 1458.454590,1928.067383
	C1468.496460,1928.453125 1476.889160,1927.713257 1486.556641,1924.710693
z"/>
<path fill="#0C2964" opacity="1.000000" stroke="none"
	d="
M1430.094482,1935.342529
	C1433.005005,1942.285645 1430.018188,1948.256470 1426.939331,1954.189331
	C1409.481201,1987.830811 1396.353149,2023.252930 1383.740112,2058.895508
	C1381.532593,2065.133545 1378.756226,2071.170410 1376.031982,2078.802979
	C1374.025879,2079.145508 1372.230713,2077.985107 1369.464355,2076.391602
	C1363.789307,2064.096924 1356.204712,2054.092529 1347.025146,2043.937012
	C1345.160889,2040.940552 1344.415283,2038.402344 1343.818359,2032.976074
	C1353.401611,2007.848267 1362.610962,1985.508545 1372.413574,1963.432373
	C1375.187866,1957.184326 1376.232788,1951.016968 1376.043579,1944.409058
	C1379.251465,1943.286865 1382.459229,1942.164551 1386.823975,1940.495605
	C1397.515137,1938.492065 1407.049561,1937.035278 1418.168213,1935.250854
	C1422.708008,1935.096313 1425.663208,1935.269409 1430.094482,1935.342529
z"/>
<path fill="#293859" opacity="1.000000" stroke="none"
	d="
M1398.835327,2553.114502
	C1406.158447,2560.494873 1413.201416,2568.493896 1418.297974,2577.584229
	C1430.271973,2598.941162 1444.461426,2618.681152 1459.584961,2637.822510
	C1464.620239,2644.195557 1467.884644,2651.008545 1468.156372,2659.433350
	C1468.448730,2668.490234 1466.422485,2675.833740 1459.685303,2682.579346
	C1449.479126,2692.798340 1440.330322,2704.073486 1429.567993,2715.511963
	C1423.004150,2713.065430 1422.774658,2707.036621 1421.570190,2702.230225
	C1416.587402,2682.346436 1412.139771,2662.313477 1408.089844,2642.215576
	C1403.916626,2621.506104 1399.920044,2600.731689 1396.902222,2579.833252
	C1395.700073,2571.509277 1397.329956,2562.775879 1398.835327,2553.114502
z"/>
<path fill="#36476D" opacity="1.000000" stroke="none"
	d="
M1419.063232,2752.154297
	C1424.423950,2752.337891 1427.534790,2754.460449 1429.107544,2758.613525
	C1431.219116,2764.189941 1433.501465,2769.715820 1435.304565,2775.392334
	C1445.355591,2807.035889 1457.246948,2837.926758 1471.811035,2867.800537
	C1479.074341,2882.698975 1485.826782,2897.860596 1492.324341,2913.110107
	C1494.340454,2917.842285 1494.759033,2923.254639 1495.850952,2929.856934
	C1486.683960,2930.212891 1477.551880,2929.222900 1468.474365,2927.866943
	C1462.645630,2926.996338 1456.897217,2925.587402 1449.541016,2922.546387
	C1447.829346,2909.157959 1443.092651,2899.065186 1438.513306,2888.822266
	C1430.471558,2870.835205 1423.135864,2852.530273 1414.977539,2834.598145
	C1407.915649,2819.075928 1405.112305,2801.851318 1395.776001,2787.276123
	C1397.739014,2778.196777 1404.613770,2772.089355 1409.432129,2764.739746
	C1411.499756,2761.585938 1413.690308,2758.512695 1415.996582,2754.096191
	C1416.168335,2752.789551 1418.086548,2752.308838 1419.063232,2752.154297
z"/>
<path fill="#445881" opacity="1.000000" stroke="none"
	d="
M1394.633301,2788.038574
	C1405.112305,2801.851318 1407.915649,2819.075928 1414.977539,2834.598145
	C1423.135864,2852.530273 1430.471558,2870.835205 1438.513306,2888.822266
	C1443.092651,2899.065186 1447.829346,2909.157959 1447.936035,2922.258301
	C1434.030151,2921.991943 1420.157349,2920.140625 1405.148315,2917.193359
	C1403.118042,2911.665039 1402.874146,2906.972412 1401.220703,2902.844238
	C1392.969238,2882.240723 1384.570190,2861.688721 1375.685181,2841.353271
	C1373.698242,2836.805664 1369.550293,2833.202393 1365.138550,2828.498047
	C1373.750000,2814.821777 1383.620361,2801.811523 1394.633301,2788.038574
z"/>
<path fill="#0D327C" opacity="1.000000" stroke="none"
	d="
M1374.475708,1944.326416
	C1376.232788,1951.016968 1375.187866,1957.184326 1372.413574,1963.432373
	C1362.610962,1985.508545 1353.401611,2007.848267 1343.650146,2031.663330
	C1338.097778,2032.130249 1336.203735,2027.679321 1333.858887,2023.711304
	C1330.149292,2017.434570 1326.496338,2011.124390 1321.712769,2004.015015
	C1317.436523,1997.197998 1314.266968,1991.194214 1310.034302,1984.516357
	C1308.090576,1981.371582 1307.164551,1978.916138 1306.337036,1976.427979
	C1302.630493,1965.282837 1302.654053,1965.245605 1314.892090,1957.126709
	C1326.052856,1954.428955 1335.998413,1952.404297 1347.095337,1949.475952
	C1356.467041,1947.129395 1364.687500,1945.686646 1374.475708,1944.326416
z"/>
<path fill="#04060F" opacity="1.000000" stroke="none"
	d="
M3307.637207,2703.809814
	C3312.927979,2704.489990 3316.429199,2706.661621 3315.108398,2712.816895
	C3314.971436,2713.455078 3314.757568,2714.082520 3314.523193,2714.693115
	C3302.753418,2745.358398 3293.969238,2777.151611 3278.896729,2806.579590
	C3271.108154,2821.785156 3264.521729,2837.605713 3257.373047,2853.139893
	C3255.133301,2858.006348 3252.695801,2862.707764 3244.642090,2863.713867
	C3242.634521,2863.689209 3241.458984,2863.360840 3241.451660,2861.839355
	C3239.355469,2853.587158 3237.267090,2846.856201 3235.124023,2838.762695
	C3231.498291,2830.213379 3227.927246,2823.026855 3224.187988,2814.479492
	C3218.900635,2806.619629 3213.781250,2800.120605 3208.595459,2792.324707
	C3203.116699,2785.311279 3197.704590,2779.594727 3191.965820,2772.631836
	C3182.489990,2764.593994 3173.340820,2757.802979 3164.094238,2749.402588
	C3164.346436,2729.817383 3164.360840,2729.799561 3180.431396,2727.692871
	C3181.736084,2727.521729 3183.042480,2727.362061 3185.905762,2727.484375
	C3192.608643,2728.713379 3197.727783,2729.843750 3202.905029,2730.545654
	C3208.675293,2731.327881 3214.594482,2732.828125 3221.742188,2729.159180
	C3234.395752,2727.929443 3245.888916,2730.063965 3257.410156,2723.886230
	C3260.561279,2723.349609 3262.322754,2722.806641 3264.965820,2722.388916
	C3267.071777,2722.165283 3267.959473,2721.416992 3269.762207,2720.186035
	C3275.433594,2718.054932 3279.853271,2716.007568 3285.653564,2713.557861
	C3293.901855,2710.040283 3300.769531,2706.925049 3307.637207,2703.809814
z"/>
<path fill="#909BAF" opacity="1.000000" stroke="none"
	d="
M3308.038086,2702.958008
	C3300.769531,2706.925049 3293.901855,2710.040283 3285.609863,2711.830322
	C3284.953613,2706.630127 3285.461670,2702.681396 3286.539307,2698.894287
	C3289.625244,2688.051270 3293.271240,2677.359131 3296.106201,2666.454102
	C3304.766357,2633.141602 3311.195801,2599.396973 3316.738770,2565.406738
	C3320.692383,2541.163330 3324.875000,2517.128418 3324.149902,2492.442139
	C3323.977783,2486.589600 3325.821533,2480.701904 3326.391357,2474.796875
	C3327.025146,2468.222412 3327.560547,2461.610840 3327.574219,2455.013916
	C3327.584473,2450.090576 3323.770996,2448.516602 3319.505615,2446.199707
	C3319.525879,2437.698242 3319.563965,2430.895508 3320.865723,2422.972412
	C3322.701660,2419.975342 3323.829590,2418.078125 3323.761719,2416.225098
	C3322.794678,2389.878174 3327.385986,2363.287109 3320.317871,2337.188721
	C3319.644043,2334.701172 3320.240967,2331.896484 3319.978760,2329.266113
	C3318.477295,2314.204346 3318.141846,2298.891846 3315.085938,2284.146484
	C3308.138916,2250.625244 3302.197510,2216.801758 3290.310791,2184.467773
	C3288.052979,2178.325928 3286.609863,2171.800781 3285.631592,2165.325439
	C3285.352295,2163.478271 3288.029297,2161.184326 3289.350586,2159.094971
	C3298.103516,2163.731689 3306.856689,2168.368164 3315.088867,2175.117188
	C3311.330078,2181.387695 3311.751953,2185.939697 3313.399414,2190.463135
	C3320.219727,2209.187500 3320.537598,2229.350098 3326.950928,2248.336182
	C3331.971436,2263.198486 3334.501709,2279.278076 3335.587891,2294.993164
	C3336.819580,2312.811279 3342.266846,2330.256104 3340.270752,2348.339111
	C3340.062744,2350.221680 3341.100342,2352.211426 3341.334473,2354.178223
	C3342.270020,2362.032715 3344.042969,2369.921631 3343.842773,2377.755127
	C3342.689697,2422.858398 3347.216064,2468.074463 3341.250000,2513.078369
	C3345.004150,2522.389648 3338.375732,2531.158447 3339.906494,2540.451660
	C3341.457520,2549.866943 3338.042969,2558.787354 3336.196777,2567.861328
	C3334.485352,2576.271973 3333.325439,2584.793457 3331.770508,2593.238037
	C3327.826660,2614.655029 3323.732178,2635.991943 3318.015869,2657.085449
	C3314.438232,2670.287598 3310.256592,2683.925293 3312.376465,2698.140137
	C3311.063721,2699.462158 3309.751221,2700.783936 3308.038086,2702.958008
z"/>
<path fill="#A2ADC1" opacity="1.000000" stroke="none"
	d="
M3313.708496,2697.561035
	C3310.256592,2683.925293 3314.438232,2670.287598 3318.015869,2657.085449
	C3323.732178,2635.991943 3327.826660,2614.655029 3331.770508,2593.238037
	C3333.325439,2584.793457 3334.485352,2576.271973 3336.196777,2567.861328
	C3338.042969,2558.787354 3341.457520,2549.866943 3339.906494,2540.451660
	C3338.375732,2531.158447 3345.004150,2522.389648 3341.250000,2513.078369
	C3347.216064,2468.074463 3342.689697,2422.858398 3343.842773,2377.755127
	C3344.042969,2369.921631 3342.270020,2362.032715 3341.334473,2354.178223
	C3341.100342,2352.211426 3340.062744,2350.221680 3340.270752,2348.339111
	C3342.266846,2330.256104 3336.819580,2312.811279 3335.587891,2294.993164
	C3334.501709,2279.278076 3331.971436,2263.198486 3326.950928,2248.336182
	C3320.537598,2229.350098 3320.219727,2209.187500 3313.399414,2190.463135
	C3311.751953,2185.939697 3311.330078,2181.387695 3315.822754,2176.266357
	C3322.872559,2179.668457 3326.747559,2186.766846 3335.546875,2190.700195
	C3335.951416,2202.213623 3336.490479,2210.533691 3338.858887,2219.106689
	C3343.954834,2237.550537 3349.569824,2256.214111 3351.340332,2275.127930
	C3353.922852,2302.713379 3362.054932,2329.717041 3360.140869,2357.759521
	C3359.964600,2360.343018 3360.832031,2362.990723 3361.154053,2365.616211
	C3362.116211,2373.454834 3363.786377,2381.290283 3363.862793,2389.139404
	C3364.173340,2421.029053 3364.030029,2452.923096 3363.952637,2484.815674
	C3363.939697,2490.110107 3363.738281,2495.443848 3363.077881,2500.690430
	C3360.857422,2518.328125 3357.222656,2535.877930 3356.362793,2553.569824
	C3355.586426,2569.549561 3352.454590,2585.006836 3349.610596,2600.530518
	C3345.927246,2620.634521 3340.937744,2640.498291 3336.599121,2660.484375
	C3335.544922,2665.340576 3336.237793,2669.762451 3340.983398,2672.619385
	C3339.667969,2675.403809 3339.057373,2679.043701 3336.907471,2680.815430
	C3329.922119,2686.572266 3322.373047,2691.645752 3313.708496,2697.561035
z"/>
<path fill="#9CA8BC" opacity="1.000000" stroke="none"
	d="
M3241.458984,2863.360840
	C3241.458984,2863.360840 3242.634521,2863.689209 3243.215332,2863.876953
	C3244.496826,2870.829590 3245.197998,2877.594238 3244.274414,2886.249023
	C3237.117920,2888.683350 3235.194336,2893.447021 3232.782715,2897.181152
	C3220.960449,2915.488281 3209.740967,2934.190430 3197.678467,2952.334473
	C3188.183594,2966.615967 3178.090332,2980.531738 3167.667236,2994.154297
	C3159.244141,3005.162598 3149.949219,3015.505371 3141.011719,3026.118896
	C3128.681641,3040.761475 3116.759521,3055.779053 3103.851807,3069.894775
	C3091.764648,3083.113037 3078.658447,3095.402832 3065.919189,3108.019043
	C3062.156250,3111.745605 3058.279053,3115.392822 3054.172607,3118.729492
	C3042.907959,3127.882812 3030.862061,3136.175781 3020.284912,3146.051025
	C3003.758789,3161.479980 2985.354736,3174.338623 2966.888672,3187.086914
	C2946.749023,3200.990967 2926.088867,3214.164795 2905.319824,3227.118652
	C2898.959717,3231.085449 2895.348877,3235.551025 2896.087402,3243.092773
	C2892.876953,3243.199951 2889.666748,3243.307129 2885.239014,3243.700195
	C2884.021729,3243.986084 2884.079346,3243.914062 2883.056641,3243.186035
	C2878.773438,3242.010010 2875.512695,3241.562012 2871.156006,3240.661621
	C2869.269287,3240.185791 2868.479004,3240.161865 2867.527100,3239.614258
	C2867.365234,3239.090332 2866.644531,3238.263184 2867.068604,3236.777344
	C2869.824463,3227.401855 2876.997314,3224.255127 2883.074219,3220.711670
	C2915.187012,3201.987305 2947.043701,3182.903320 2976.289062,3159.826660
	C2999.173096,3141.769531 3023.044922,3124.747070 3044.385986,3105.003906
	C3075.120605,3076.571045 3105.014893,3047.018555 3131.288574,3014.292725
	C3149.940674,2991.059326 3167.685059,2967.013184 3184.514893,2942.426514
	C3199.496338,2920.539795 3212.877686,2897.539307 3226.489502,2874.746094
	C3230.151611,2868.614502 3233.800049,2863.672852 3241.458984,2863.360840
z"/>
<path fill="#B1BCD0" opacity="1.000000" stroke="none"
	d="
M3342.337891,2672.684082
	C3336.237793,2669.762451 3335.544922,2665.340576 3336.599121,2660.484375
	C3340.937744,2640.498291 3345.927246,2620.634521 3349.610596,2600.530518
	C3352.454590,2585.006836 3355.586426,2569.549561 3356.362793,2553.569824
	C3357.222656,2535.877930 3360.857422,2518.328125 3363.077881,2500.690430
	C3363.738281,2495.443848 3363.939697,2490.110107 3363.952637,2484.815674
	C3364.030029,2452.923096 3364.173340,2421.029053 3363.862793,2389.139404
	C3363.786377,2381.290283 3362.116211,2373.454834 3361.154053,2365.616211
	C3360.832031,2362.990723 3359.964600,2360.343018 3360.140869,2357.759521
	C3362.054932,2329.717041 3353.922852,2302.713379 3351.340332,2275.127930
	C3349.569824,2256.214111 3343.954834,2237.550537 3338.858887,2219.106689
	C3336.490479,2210.533691 3335.951416,2202.213623 3336.298096,2191.706055
	C3341.367676,2194.802734 3346.354980,2199.785645 3351.784424,2205.991699
	C3355.453613,2224.727539 3358.856445,2242.210205 3361.850342,2259.762451
	C3364.178711,2273.412842 3365.967285,2287.154541 3368.050781,2300.847168
	C3370.430908,2316.486816 3372.975830,2332.101807 3375.221924,2347.760254
	C3375.879150,2352.342529 3375.939697,2357.035400 3375.965576,2361.679199
	C3376.054932,2377.644287 3374.604980,2393.766113 3376.362549,2409.536377
	C3378.640381,2429.974609 3379.125732,2450.046143 3376.266602,2470.447021
	C3374.803711,2480.885986 3376.077393,2491.699219 3375.978760,2502.341797
	C3375.886719,2512.264893 3376.946289,2522.283936 3372.851074,2531.859375
	C3371.858398,2534.180420 3372.076904,2537.101318 3372.067139,2539.747559
	C3371.982178,2563.065186 3367.100586,2585.647217 3362.001465,2608.239014
	C3358.520752,2623.662109 3355.691895,2639.233887 3352.727539,2654.768799
	C3352.521973,2655.846680 3353.619141,2657.173096 3355.265869,2659.307861
	C3354.559570,2666.825928 3350.370117,2671.052734 3342.337891,2672.684082
z"/>
<path fill="#A8B4C8" opacity="1.000000" stroke="none"
	d="
M2896.750488,3243.440430
	C2895.348877,3235.551025 2898.959717,3231.085449 2905.319824,3227.118652
	C2926.088867,3214.164795 2946.749023,3200.990967 2966.888672,3187.086914
	C2985.354736,3174.338623 3003.758789,3161.479980 3020.284912,3146.051025
	C3030.862061,3136.175781 3042.907959,3127.882812 3054.172607,3118.729492
	C3058.279053,3115.392822 3062.156250,3111.745605 3065.919189,3108.019043
	C3078.658447,3095.402832 3091.764648,3083.113037 3103.851807,3069.894775
	C3116.759521,3055.779053 3128.681641,3040.761475 3141.011719,3026.118896
	C3149.949219,3015.505371 3159.244141,3005.162598 3167.667236,2994.154297
	C3178.090332,2980.531738 3188.183594,2966.615967 3197.678467,2952.334473
	C3209.740967,2934.190430 3220.960449,2915.488281 3232.782715,2897.181152
	C3235.194336,2893.447021 3237.117920,2888.683350 3244.156250,2887.952393
	C3246.466309,2893.551514 3247.270264,2899.337402 3246.355225,2906.604980
	C3242.208496,2908.937500 3238.880371,2909.070557 3237.520996,2910.774414
	C3233.413574,2915.922607 3229.979980,2921.623779 3226.444092,2927.210693
	C3208.758789,2955.155762 3191.431885,2983.338379 3169.663086,3008.440430
	C3161.439453,3017.923584 3153.628906,3027.763672 3145.498291,3037.329102
	C3131.384521,3053.932129 3117.828857,3071.079346 3102.792725,3086.806641
	C3090.030518,3100.156006 3075.533447,3111.851074 3061.759521,3124.228516
	C3047.984375,3136.607178 3034.787598,3149.741211 3020.190674,3161.066406
	C3000.885254,3176.044434 2980.609131,3189.795166 2960.477539,3203.677979
	C2944.135498,3214.947510 2927.339111,3225.557129 2910.878174,3236.658447
	C2908.233398,3238.441895 2906.290527,3241.266602 2903.039062,3243.982422
	C2901.399170,3244.602539 2900.742920,3244.850342 2900.086670,3245.098389
	C2899.315674,3244.416260 2898.424561,3243.979248 2896.750488,3243.440430
z"/>
<path fill="#B1BCD0" opacity="1.000000" stroke="none"
	d="
M2904.022949,3243.609863
	C2906.290527,3241.266602 2908.233398,3238.441895 2910.878174,3236.658447
	C2927.339111,3225.557129 2944.135498,3214.947510 2960.477539,3203.677979
	C2980.609131,3189.795166 3000.885254,3176.044434 3020.190674,3161.066406
	C3034.787598,3149.741211 3047.984375,3136.607178 3061.759521,3124.228516
	C3075.533447,3111.851074 3090.030518,3100.156006 3102.792725,3086.806641
	C3117.828857,3071.079346 3131.384521,3053.932129 3145.498291,3037.329102
	C3153.628906,3027.763672 3161.439453,3017.923584 3169.663086,3008.440430
	C3191.431885,2983.338379 3208.758789,2955.155762 3226.444092,2927.210693
	C3229.979980,2921.623779 3233.413574,2915.922607 3237.520996,2910.774414
	C3238.880371,2909.070557 3242.208496,2908.937500 3246.063477,2908.058105
	C3247.882568,2912.310303 3248.274414,2916.591064 3248.264648,2922.440430
	C3241.074219,2924.101318 3236.928467,2928.355957 3233.502686,2933.442871
	C3227.578369,2942.239014 3221.217285,2950.824463 3216.189697,2960.120850
	C3209.183594,2973.076416 3200.089355,2984.333496 3190.657471,2995.453125
	C3187.674561,2998.969971 3185.350342,3003.037842 3182.468506,3006.649414
	C3175.456543,3015.437988 3168.347656,3024.150879 3161.181396,3032.814209
	C3149.805664,3046.566895 3138.389160,3060.286133 3126.906250,3073.949219
	C3123.494141,3078.009521 3119.896973,3081.926025 3116.220703,3085.751465
	C3091.838135,3111.120605 3065.996338,3134.862061 3037.993896,3156.230713
	C3030.116699,3162.241699 3022.697510,3168.854248 3015.086182,3175.212158
	C2991.149170,3195.206299 2965.524170,3212.760254 2938.808105,3228.832275
	C2933.359619,3232.109619 2926.656006,3234.679443 2922.482910,3243.457520
	C2915.112061,3244.652588 2909.567627,3244.131348 2904.022949,3243.609863
z"/>
<path fill="#061232" opacity="1.000000" stroke="none"
	d="
M3378.898682,2640.154785
	C3376.760254,2636.766846 3379.671875,2636.903320 3382.815918,2635.955078
	C3382.623779,2637.142090 3381.274170,2638.565430 3378.898682,2640.154785
z"/>
<path fill="#081636" opacity="1.000000" stroke="none"
	d="
M2903.039062,3243.982422
	C2909.567627,3244.131348 2915.112061,3244.652588 2922.304688,3244.858887
	C2934.812012,3244.581543 2945.671387,3244.619385 2958.285400,3244.178711
	C2964.300293,3243.776611 2968.561035,3243.853271 2974.396729,3244.215820
	C2975.971924,3244.501465 2976.007080,3246.255127 2976.008301,3247.132324
	C2951.590820,3247.669189 2927.171631,3247.328857 2901.419678,3246.043457
	C2900.742920,3244.850342 2901.399170,3244.602539 2903.039062,3243.982422
z"/>
<path fill="#808B9E" opacity="1.000000" stroke="none"
	d="
M3235.772949,2027.961670
	C3234.412354,2038.897705 3228.720947,2048.022949 3221.890381,2056.842773
	C3216.790039,2050.755371 3213.044189,2045.302124 3209.835205,2039.549316
	C3201.475342,2024.561279 3193.944824,2009.078491 3185.000488,1994.455566
	C3169.863525,1969.708374 3154.120361,1945.320679 3138.118652,1921.121582
	C3133.858887,1914.679077 3128.783936,1907.928467 3118.487793,1907.130737
	C3112.082520,1893.302368 3107.230713,1880.183350 3101.003662,1867.753174
	C3088.633789,1843.059814 3070.770996,1822.510620 3050.344971,1804.143555
	C3030.887939,1786.647827 3009.157715,1772.773315 2984.571045,1763.550049
	C2977.739014,1760.987061 2970.940186,1758.335083 2963.936523,1754.362671
	C2959.604980,1747.984619 2956.322510,1741.725586 2951.174072,1738.165039
	C2928.396484,1722.412720 2905.700195,1706.483276 2881.604736,1692.731323
	C2862.677246,1681.928833 2843.642090,1671.309326 2824.887695,1660.215088
	C2821.119873,1657.986328 2818.400879,1653.984741 2816.138184,1649.797852
	C2827.587891,1645.188721 2835.916748,1636.007812 2848.111572,1638.086914
	C2848.054688,1643.958496 2850.225586,1646.667603 2854.048828,1648.994507
	C2876.690918,1662.774658 2901.108398,1673.680054 2921.773193,1690.682007
	C2923.281738,1691.923096 2925.380859,1692.416748 2927.032959,1693.517212
	C2939.724121,1701.969360 2952.821045,1709.897949 2964.924805,1719.126221
	C2981.247559,1731.571289 2996.932617,1744.869995 3012.640381,1758.100586
	C3030.371582,1773.035889 3048.270508,1787.822754 3065.225098,1803.610229
	C3074.870605,1812.592163 3081.987305,1824.288330 3091.624756,1833.281128
	C3112.161377,1852.444092 3128.894531,1874.891724 3145.619141,1897.000854
	C3168.390625,1927.103149 3190.092529,1958.212769 3207.959717,1991.701172
	C3213.236816,2001.592041 3219.002686,2011.221191 3224.490479,2021.000610
	C3226.983398,2025.443604 3230.648193,2027.851685 3235.772949,2027.961670
z"/>
<path fill="#909BAF" opacity="1.000000" stroke="none"
	d="
M3236.532715,2026.708252
	C3230.648193,2027.851685 3226.983398,2025.443604 3224.490479,2021.000610
	C3219.002686,2011.221191 3213.236816,2001.592041 3207.959717,1991.701172
	C3190.092529,1958.212769 3168.390625,1927.103149 3145.619141,1897.000854
	C3128.894531,1874.891724 3112.161377,1852.444092 3091.624756,1833.281128
	C3081.987305,1824.288330 3074.870605,1812.592163 3065.225098,1803.610229
	C3048.270508,1787.822754 3030.371582,1773.035889 3012.640381,1758.100586
	C2996.932617,1744.869995 2981.247559,1731.571289 2964.924805,1719.126221
	C2952.821045,1709.897949 2939.724121,1701.969360 2927.032959,1693.517212
	C2925.380859,1692.416748 2923.281738,1691.923096 2921.773193,1690.682007
	C2901.108398,1673.680054 2876.690918,1662.774658 2854.048828,1648.994507
	C2850.225586,1646.667603 2848.054688,1643.958496 2849.042969,1637.527832
	C2850.593506,1635.197632 2851.230957,1634.853882 2852.962646,1634.720459
	C2855.990967,1633.917236 2857.925049,1632.903687 2861.399658,1631.745850
	C2864.840332,1630.856323 2866.739990,1630.110962 2869.356934,1629.825806
	C2870.074219,1630.286133 2871.581299,1631.082153 2871.798340,1632.542847
	C2872.984863,1640.024658 2877.614746,1642.435913 2882.328857,1645.205688
	C2900.042969,1655.613281 2918.011230,1665.678711 2935.070557,1677.089233
	C2962.572021,1695.484619 2989.648682,1714.388916 3014.903320,1736.056763
	C3036.020508,1754.174805 3056.547363,1772.939331 3077.110596,1791.611938
	C3098.679199,1811.198120 3117.145996,1833.945923 3135.112305,1856.913086
	C3153.048828,1879.842163 3171.373535,1902.542358 3187.950684,1926.437500
	C3202.281006,1947.094116 3214.685059,1969.120117 3227.322754,1990.899414
	C3231.224365,1997.623291 3235.952393,2000.561157 3243.354980,1999.927246
	C3241.334229,2008.436523 3239.313232,2016.945801 3236.532715,2026.708252
z"/>
<path fill="#9FAABE" opacity="1.000000" stroke="none"
	d="
M3243.852051,1998.429199
	C3235.952393,2000.561157 3231.224365,1997.623291 3227.322754,1990.899414
	C3214.685059,1969.120117 3202.281006,1947.094116 3187.950684,1926.437500
	C3171.373535,1902.542358 3153.048828,1879.842163 3135.112305,1856.913086
	C3117.145996,1833.945923 3098.679199,1811.198120 3077.110596,1791.611938
	C3056.547363,1772.939331 3036.020508,1754.174805 3014.903320,1736.056763
	C2989.648682,1714.388916 2962.572021,1695.484619 2935.070557,1677.089233
	C2918.011230,1665.678711 2900.042969,1655.613281 2882.328857,1645.205688
	C2877.614746,1642.435913 2872.984863,1640.024658 2872.099121,1631.841431
	C2872.182617,1629.679321 2872.828369,1628.296631 2873.650391,1628.460938
	C2874.472656,1628.625122 2875.952393,1627.836914 2875.952393,1627.836914
	C2880.075439,1627.714233 2884.198486,1627.591553 2889.870117,1627.573486
	C2893.418945,1627.946777 2895.419434,1628.215332 2898.960205,1629.989868
	C2902.477051,1634.035889 2903.949707,1637.374268 2906.509766,1638.988403
	C2925.574463,1651.009521 2944.967041,1662.511475 2964.006592,1674.571411
	C2970.700195,1678.811279 2976.729004,1684.110718 2982.999023,1689.006470
	C2999.724121,1702.066040 3017.535645,1713.814575 3032.038818,1729.564575
	C3032.477539,1730.041138 3033.166260,1730.277222 3033.671631,1730.704468
	C3048.852539,1743.533081 3064.725098,1755.644409 3079.013916,1769.400513
	C3095.258057,1785.038940 3110.950195,1801.211792 3125.580322,1818.610596
	C3140.504395,1836.358887 3156.163574,1853.536743 3170.042480,1872.153687
	C3191.846924,1901.401855 3213.440430,1930.841309 3231.273926,1962.753662
	C3235.068115,1969.543213 3239.790771,1972.558594 3247.238037,1971.927490
	C3246.275146,1980.262085 3245.312256,1988.596680 3243.852051,1998.429199
z"/>
<path fill="#AEB9CD" opacity="1.000000" stroke="none"
	d="
M3247.653320,1970.465698
	C3239.790771,1972.558594 3235.068115,1969.543213 3231.273926,1962.753662
	C3213.440430,1930.841309 3191.846924,1901.401855 3170.042480,1872.153687
	C3156.163574,1853.536743 3140.504395,1836.358887 3125.580322,1818.610596
	C3110.950195,1801.211792 3095.258057,1785.038940 3079.013916,1769.400513
	C3064.725098,1755.644409 3048.852539,1743.533081 3033.671631,1730.704468
	C3033.166260,1730.277222 3032.477539,1730.041138 3032.038818,1729.564575
	C3017.535645,1713.814575 2999.724121,1702.066040 2982.999023,1689.006470
	C2976.729004,1684.110718 2970.700195,1678.811279 2964.006592,1674.571411
	C2944.967041,1662.511475 2925.574463,1651.009521 2906.509766,1638.988403
	C2903.949707,1637.374268 2902.477051,1634.035889 2900.463623,1630.171875
	C2908.432129,1628.507690 2916.437988,1628.167480 2926.348389,1629.253174
	C2930.648682,1633.683594 2932.509521,1637.467896 2935.540527,1639.545654
	C2944.290283,1645.543823 2953.918945,1650.296387 2962.466553,1656.545044
	C2983.863037,1672.187256 3006.489990,1686.126099 3026.344238,1703.934448
	C3038.650879,1714.972900 3053.179199,1723.653076 3064.844727,1735.265747
	C3100.621582,1770.880493 3137.721680,1805.193115 3168.437744,1845.746460
	C3186.059326,1869.011719 3204.120605,1891.895996 3220.161865,1916.301392
	C3225.633789,1924.626343 3231.261230,1932.851685 3236.607178,1941.256104
	C3239.348633,1945.566406 3242.967773,1947.914795 3248.058105,1948.007568
	C3248.334229,1951.029297 3248.610107,1954.051147 3249.212891,1958.561890
	C3249.049072,1963.035278 3248.558594,1966.019531 3247.653320,1970.465698
z"/>
<path fill="#808B9E" opacity="1.000000" stroke="none"
	d="
M3288.390137,2158.039551
	C3288.029297,2161.184326 3285.352295,2163.478271 3285.631592,2165.325439
	C3286.609863,2171.800781 3288.052979,2178.325928 3290.310791,2184.467773
	C3302.197510,2216.801758 3308.138916,2250.625244 3315.085938,2284.146484
	C3318.141846,2298.891846 3318.477295,2314.204346 3319.978760,2329.266113
	C3320.240967,2331.896484 3319.644043,2334.701172 3320.317871,2337.188721
	C3327.385986,2363.287109 3322.794678,2389.878174 3323.761719,2416.225098
	C3323.829590,2418.078125 3322.701660,2419.975342 3319.889893,2421.736816
	C3315.918457,2388.139893 3305.864502,2357.082275 3290.394775,2327.571777
	C3289.198486,2325.289551 3288.768799,2322.604980 3289.125977,2319.041016
	C3290.650635,2313.434570 3292.507080,2308.367432 3291.111084,2304.463135
	C3288.092041,2296.019287 3288.247314,2287.536865 3287.872559,2278.924805
	C3287.702637,2275.015869 3286.491211,2271.147949 3285.701416,2267.271973
	C3283.722656,2257.561035 3281.915771,2247.809814 3279.669434,2238.160889
	C3276.825439,2225.944092 3275.174561,2213.122314 3270.173828,2201.815674
	C3263.643799,2187.051025 3263.666504,2170.694824 3256.835449,2156.196533
	C3255.254150,2152.840576 3257.464600,2149.846680 3260.343994,2147.709229
	C3269.372314,2150.800781 3278.400879,2153.892578 3288.390137,2158.039551
z"/>
<path fill="#313A4D" opacity="1.000000" stroke="none"
	d="
M3168.511963,2116.430908
	C3163.560547,2124.319580 3161.670898,2132.369141 3166.846191,2142.960205
	C3166.397461,2147.532227 3165.639404,2150.192627 3166.377930,2152.338623
	C3172.902588,2171.304932 3179.811768,2190.139404 3186.299072,2209.118408
	C3187.524902,2212.704346 3187.384033,2216.757568 3186.463379,2220.287354
	C3172.649170,2213.605225 3160.245361,2207.230713 3147.890381,2199.169678
	C3147.285400,2192.993164 3147.243408,2188.303223 3145.852051,2184.054932
	C3142.809082,2174.762451 3139.364258,2165.574707 3135.568359,2156.561523
	C3129.487061,2142.122070 3122.899658,2127.896484 3116.706787,2113.502930
	C3114.120605,2107.492432 3109.853760,2104.116211 3103.609619,2101.964355
	C3105.215820,2096.100098 3106.547363,2091.730225 3107.974121,2087.391846
	C3113.247803,2071.357178 3117.329834,2054.931641 3123.937500,2040.760498
	C3134.763184,2064.155762 3145.409424,2086.067383 3156.061035,2107.976074
	C3156.349365,2108.569336 3156.694824,2109.135254 3157.013916,2109.713379
	C3159.511719,2114.237549 3163.716309,2115.840088 3168.511963,2116.430908
z"/>
<path fill="#6A7588" opacity="1.000000" stroke="none"
	d="
M3259.197021,2146.689453
	C3257.464600,2149.846680 3255.254150,2152.840576 3256.835449,2156.196533
	C3263.666504,2170.694824 3263.643799,2187.051025 3270.173828,2201.815674
	C3275.174561,2213.122314 3276.825439,2225.944092 3279.669434,2238.160889
	C3281.915771,2247.809814 3283.722656,2257.561035 3285.701416,2267.271973
	C3286.491211,2271.147949 3287.702637,2275.015869 3287.872559,2278.924805
	C3288.247314,2287.536865 3288.092041,2296.019287 3291.111084,2304.463135
	C3292.507080,2308.367432 3290.650635,2313.434570 3288.032227,2318.257080
	C3275.886230,2304.376221 3265.977051,2290.212646 3256.056641,2274.349365
	C3256.254395,2263.383301 3256.041260,2254.299561 3251.186768,2245.822998
	C3249.297363,2242.523926 3248.906738,2238.362061 3247.858643,2234.586182
	C3239.656738,2205.041992 3234.618896,2174.515137 3220.491211,2146.799316
	C3219.681885,2145.211182 3220.293945,2142.898193 3220.244385,2140.922607
	C3233.287598,2138.990723 3245.549072,2143.284424 3259.197021,2146.689453
z"/>
<path fill="#070E22" opacity="1.000000" stroke="none"
	d="
M3271.386963,2005.402100
	C3274.720703,2005.596436 3278.765137,2006.544556 3279.934082,2008.911987
	C3290.221924,2029.748413 3300.687500,2050.545898 3309.728760,2071.934814
	C3318.500000,2092.686035 3325.776123,2114.076904 3333.413818,2135.293213
	C3334.949219,2139.558838 3335.157471,2144.302002 3335.969238,2150.422363
	C3323.903320,2145.277832 3311.891602,2138.451172 3299.763428,2131.838623
	C3295.377441,2129.447510 3293.503906,2125.749023 3291.661621,2121.268066
	C3282.410889,2098.765381 3272.591797,2076.497070 3263.230225,2054.039062
	C3261.781250,2050.563477 3260.404541,2046.249512 3261.168457,2042.805420
	C3263.854736,2030.694580 3267.489502,2018.794189 3271.386963,2005.402100
z"/>
<path fill="#5B6477" opacity="1.000000" stroke="none"
	d="
M3208.322266,2078.256836
	C3206.746826,2086.201660 3199.867188,2090.027832 3192.631592,2095.351562
	C3186.366211,2089.233643 3181.891113,2083.471680 3178.672363,2077.077393
	C3165.862549,2051.627686 3153.382324,2026.028564 3137.209717,2002.433716
	C3134.775146,1998.881714 3132.396973,1996.252319 3127.955566,1994.089111
	C3127.872070,1978.823486 3127.853760,1965.379639 3129.234375,1952.101318
	C3133.273926,1954.056030 3136.587158,1955.322266 3138.449951,1957.716797
	C3153.801270,1977.448730 3165.917480,1999.288818 3178.246094,2020.915771
	C3188.928467,2039.654907 3198.345947,2059.115234 3208.322266,2078.256836
z"/>
<path fill="#555E70" opacity="1.000000" stroke="none"
	d="
M3218.604736,2140.545898
	C3220.293945,2142.898193 3219.681885,2145.211182 3220.491211,2146.799316
	C3234.618896,2174.515137 3239.656738,2205.041992 3247.858643,2234.586182
	C3248.906738,2238.362061 3249.297363,2242.523926 3251.186768,2245.822998
	C3256.041260,2254.299561 3256.254395,2263.383301 3254.851807,2273.764893
	C3241.131836,2263.260498 3228.605713,2251.640869 3216.058594,2238.315430
	C3216.684326,2227.196289 3215.081543,2218.189453 3211.897217,2209.293457
	C3206.757812,2194.935059 3201.858887,2180.482910 3197.235840,2165.950439
	C3194.834229,2158.401367 3193.240967,2150.595215 3191.282715,2142.905029
	C3199.490723,2138.682373 3208.322266,2140.310547 3218.604736,2140.545898
z"/>
<path fill="#4C5467" opacity="1.000000" stroke="none"
	d="
M3128.020752,1995.910767
	C3132.396973,1996.252319 3134.775146,1998.881714 3137.209717,2002.433716
	C3153.382324,2026.028564 3165.862549,2051.627686 3178.672363,2077.077393
	C3181.891113,2083.471680 3186.366211,2089.233643 3191.558594,2095.994141
	C3187.197510,2104.892334 3178.922119,2109.902344 3169.599609,2115.696289
	C3163.716309,2115.840088 3159.511719,2114.237549 3157.013916,2109.713379
	C3156.694824,2109.135254 3156.349365,2108.569336 3156.061035,2107.976074
	C3145.409424,2086.067383 3134.763184,2064.155762 3123.910156,2039.062012
	C3124.006836,2022.433716 3123.545410,2008.905640 3128.020752,1995.910767
z"/>
<path fill="#707B8E" opacity="1.000000" stroke="none"
	d="
M3209.493652,2077.500488
	C3198.345947,2059.115234 3188.928467,2039.654907 3178.246094,2020.915771
	C3165.917480,1999.288818 3153.801270,1977.448730 3138.449951,1957.716797
	C3136.587158,1955.322266 3133.273926,1954.056030 3129.114502,1950.530029
	C3124.870361,1935.245850 3122.145020,1921.698730 3119.419434,1908.151611
	C3128.783936,1907.928467 3133.858887,1914.679077 3138.118652,1921.121582
	C3154.120361,1945.320679 3169.863525,1969.708374 3185.000488,1994.455566
	C3193.944824,2009.078491 3201.475342,2024.561279 3209.835205,2039.549316
	C3213.044189,2045.302124 3216.790039,2050.755371 3220.894531,2057.941406
	C3217.886963,2065.272949 3214.275879,2071.008301 3209.493652,2077.500488
z"/>
<path fill="#3F485A" opacity="1.000000" stroke="none"
	d="
M3189.671875,2143.018555
	C3193.240967,2150.595215 3194.834229,2158.401367 3197.235840,2165.950439
	C3201.858887,2180.482910 3206.757812,2194.935059 3211.897217,2209.293457
	C3215.081543,2218.189453 3216.684326,2227.196289 3214.802002,2237.799805
	C3204.752930,2233.207031 3194.699219,2229.155762 3187.873779,2220.595215
	C3187.384033,2216.757568 3187.524902,2212.704346 3186.299072,2209.118408
	C3179.811768,2190.139404 3172.902588,2171.304932 3166.377930,2152.338623
	C3165.639404,2150.192627 3166.397461,2147.532227 3167.557129,2144.223145
	C3175.122070,2143.268311 3181.591553,2143.199951 3189.671875,2143.018555
z"/>
<path fill="#445881" opacity="1.000000" stroke="none"
	d="
M3424.123535,1945.901855
	C3435.398926,1946.039429 3446.621094,1947.721313 3459.073242,1951.940796
	C3460.913086,1956.348755 3461.369873,1958.286499 3462.156006,1960.079590
	C3474.554199,1988.360352 3488.900635,2015.840088 3497.209473,2045.800903
	C3497.905518,2048.312012 3499.314941,2050.625244 3500.393066,2053.030273
	C3500.564453,2058.283936 3498.981201,2062.831543 3495.216553,2066.625000
	C3491.696045,2070.172607 3488.315186,2073.858643 3484.205322,2078.657715
	C3475.181396,2079.879883 3472.364746,2073.577148 3469.893555,2067.396973
	C3465.234375,2055.744141 3461.255859,2043.816772 3456.510986,2032.201050
	C3447.268799,2009.576416 3437.535645,1987.151978 3428.372314,1964.496216
	C3426.195312,1959.113281 3425.465576,1953.145142 3424.123535,1945.901855
z"/>
<path fill="#4F6694" opacity="1.000000" stroke="none"
	d="
M3501.673340,2052.529541
	C3499.314941,2050.625244 3497.905518,2048.312012 3497.209473,2045.800903
	C3488.900635,2015.840088 3474.554199,1988.360352 3462.156006,1960.079590
	C3461.369873,1958.286499 3460.913086,1956.348755 3460.203125,1952.966431
	C3465.620605,1951.666504 3471.137939,1951.878418 3478.312012,1952.071533
	C3484.716064,1958.183716 3492.455811,1954.311401 3499.069336,1960.074585
	C3500.079102,1964.666504 3499.539307,1966.887329 3500.233154,1968.611572
	C3505.896973,1982.688477 3511.624268,1996.746094 3517.721924,2010.638428
	C3519.446777,2014.568115 3523.583008,2015.751953 3527.783936,2015.921265
	C3521.382080,2029.246582 3513.816406,2041.771362 3501.673340,2052.529541
z"/>
<path fill="#5C75A6" opacity="1.000000" stroke="none"
	d="
M3528.444580,2014.730225
	C3523.583008,2015.751953 3519.446777,2014.568115 3517.721924,2010.638428
	C3511.624268,1996.746094 3505.896973,1982.688477 3500.233154,1968.611572
	C3499.539307,1966.887329 3500.079102,1964.666504 3500.087891,1961.034180
	C3516.146973,1959.579346 3531.163330,1964.959961 3546.521973,1968.495972
	C3552.295898,1969.825317 3554.642334,1975.505127 3551.221436,1980.939819
	C3544.230469,1992.045898 3539.068604,2004.442993 3528.444580,2014.730225
z"/>
<path fill="#030710" opacity="1.000000" stroke="none"
	d="
M2875.812744,1626.442139
	C2875.952393,1627.836914 2874.472656,1628.625122 2872.905762,1628.433838
	C2870.329346,1628.352783 2869.429688,1628.727173 2868.639893,1629.365479
	C2866.739990,1630.110962 2864.840332,1630.856323 2860.283691,1631.605957
	C2855.707275,1632.576904 2853.787842,1633.543457 2851.868164,1634.510132
	C2851.230957,1634.853882 2850.593506,1635.197632 2849.024414,1636.100586
	C2835.916748,1636.007812 2827.587891,1645.188721 2814.846436,1650.159912
	C2805.576660,1656.735352 2798.538818,1661.945923 2790.299316,1667.689209
	C2781.731201,1673.146484 2775.602783,1679.228027 2770.309326,1687.838135
	C2764.569092,1694.937256 2759.950684,1701.335449 2754.058350,1708.333252
	C2738.599609,1712.814697 2735.480469,1710.976929 2730.773193,1694.111694
	C2731.426025,1686.995605 2731.661865,1681.486206 2732.200439,1674.580811
	C2733.726562,1666.114502 2737.772461,1659.036621 2732.558350,1650.281982
	C2731.564209,1638.982178 2734.211914,1628.780640 2728.080078,1618.481689
	C2725.553711,1606.584961 2723.474854,1596.018921 2715.944092,1586.136841
	C2711.512939,1577.943970 2707.562744,1571.027954 2703.348877,1562.858154
	C2701.489258,1558.601685 2699.893311,1555.598999 2698.297119,1552.596191
	C2710.316406,1550.947144 2721.750977,1552.890381 2733.264160,1556.755493
	C2762.035645,1566.413818 2789.767334,1578.552002 2817.467041,1590.799927
	C2831.925293,1597.193115 2846.298828,1603.781006 2860.658936,1610.393066
	C2867.354736,1613.476440 2873.592041,1617.170044 2875.812744,1626.442139
z"/>
<path fill="#9FAABE" opacity="1.000000" stroke="none"
	d="
M2697.345215,1551.982666
	C2699.893311,1555.598999 2701.489258,1558.601685 2702.051025,1563.413818
	C2698.484619,1565.661865 2695.755859,1566.945557 2693.450684,1566.409424
	C2669.663086,1560.874390 2646.010986,1554.747803 2622.188477,1549.373535
	C2592.533936,1542.683594 2562.619141,1537.464722 2532.172119,1535.944824
	C2529.520996,1535.812378 2526.604736,1536.180908 2524.277100,1535.205811
	C2514.045410,1530.920166 2503.340088,1532.445679 2492.773438,1531.930298
	C2476.284912,1531.125854 2459.560059,1534.448364 2443.297119,1528.788940
	C2440.459229,1527.801147 2436.804443,1529.048340 2433.543457,1529.412598
	C2426.342529,1530.216797 2419.168945,1531.627930 2411.954102,1531.863159
	C2399.328369,1532.275146 2386.679443,1531.931030 2374.041260,1532.025024
	C2369.396240,1532.059448 2364.487793,1531.537842 2360.156982,1532.817993
	C2342.837891,1537.936768 2324.630371,1535.373657 2307.161865,1539.730225
	C2295.058105,1542.748901 2282.187744,1542.632690 2270.017090,1545.456299
	C2242.328369,1551.880493 2214.886719,1559.361694 2187.277588,1566.140991
	C2182.202881,1567.387085 2176.812988,1567.349243 2171.568604,1567.904053
	C2178.636719,1557.295532 2185.704590,1546.687134 2194.972168,1536.720459
	C2203.407227,1541.512451 2209.652588,1539.635742 2216.243164,1538.003174
	C2259.200195,1527.361084 2302.158447,1516.599121 2346.804688,1515.869873
	C2348.127197,1515.848267 2349.569580,1515.926025 2350.748291,1515.446655
	C2362.887451,1510.510010 2375.669189,1512.874878 2388.159424,1511.860474
	C2403.924316,1510.579834 2419.585693,1510.948608 2435.339111,1511.788574
	C2442.480469,1512.169434 2449.733643,1510.416992 2456.938965,1509.659302
	C2459.537354,1509.385986 2462.492188,1508.277710 2464.690430,1509.112915
	C2477.629395,1514.029907 2491.035889,1511.077148 2504.186035,1512.065918
	C2511.401611,1512.608276 2518.570557,1513.762695 2525.762695,1514.624023
	C2529.698730,1515.095459 2533.638428,1515.537842 2537.577881,1515.982300
	C2552.004395,1517.610229 2566.563477,1518.491211 2580.829346,1521.023315
	C2605.497559,1525.401611 2629.939697,1531.038208 2654.567627,1535.664062
	C2664.894043,1537.603638 2675.451660,1538.311646 2685.904297,1539.579590
	C2689.400635,1543.509399 2692.896973,1547.439331 2697.345215,1551.982666
z"/>
<path fill="#B1BCD0" opacity="1.000000" stroke="none"
	d="
M2685.304688,1538.326660
	C2675.451660,1538.311646 2664.894043,1537.603638 2654.567627,1535.664062
	C2629.939697,1531.038208 2605.497559,1525.401611 2580.829346,1521.023315
	C2566.563477,1518.491211 2552.004395,1517.610229 2537.577881,1515.982300
	C2533.638428,1515.537842 2529.698730,1515.095459 2525.762695,1514.624023
	C2518.570557,1513.762695 2511.401611,1512.608276 2504.186035,1512.065918
	C2491.035889,1511.077148 2477.629395,1514.029907 2464.690430,1509.112915
	C2462.492188,1508.277710 2459.537354,1509.385986 2456.938965,1509.659302
	C2449.733643,1510.416992 2442.480469,1512.169434 2435.339111,1511.788574
	C2419.585693,1510.948608 2403.924316,1510.579834 2388.159424,1511.860474
	C2375.669189,1512.874878 2362.887451,1510.510010 2350.748291,1515.446655
	C2349.569580,1515.926025 2348.127197,1515.848267 2346.804688,1515.869873
	C2302.158447,1516.599121 2259.200195,1527.361084 2216.243164,1538.003174
	C2209.652588,1539.635742 2203.407227,1541.512451 2196.175049,1536.081299
	C2198.678955,1525.315186 2206.653320,1519.592896 2214.690918,1512.303223
	C2216.560547,1517.017944 2219.381104,1520.478882 2225.041992,1519.761597
	C2231.581055,1518.932983 2238.021729,1517.330933 2244.507812,1516.078857
	C2261.402588,1512.817139 2278.282227,1509.474976 2295.203125,1506.354614
	C2301.039307,1505.278320 2306.980713,1504.775879 2312.870605,1503.986328
	C2322.698242,1502.668823 2332.489014,1500.894531 2342.358398,1500.125488
	C2352.256104,1499.354248 2362.183350,1500.496094 2371.967773,1496.959839
	C2376.746826,1495.232666 2382.511230,1496.044434 2387.830322,1496.031250
	C2415.826172,1495.962158 2443.822266,1495.906250 2471.817383,1496.036011
	C2484.403076,1496.094482 2497.046387,1494.897583 2509.402832,1499.289062
	C2513.589111,1500.776978 2518.661621,1500.174683 2523.296875,1499.927002
	C2543.395752,1498.852661 2562.749268,1503.533203 2582.389404,1506.608887
	C2605.306641,1510.197876 2627.941895,1514.942505 2650.634277,1519.568970
	C2654.230225,1520.302246 2658.328369,1518.573608 2663.214355,1516.795044
	C2671.057617,1522.762573 2677.881348,1529.918091 2685.304688,1538.326660
z"/>
<path fill="#BCC8DC" opacity="1.000000" stroke="none"
	d="
M3248.483398,1946.265137
	C3242.967773,1947.914795 3239.348633,1945.566406 3236.607178,1941.256104
	C3231.261230,1932.851685 3225.633789,1924.626343 3220.161865,1916.301392
	C3204.120605,1891.895996 3186.059326,1869.011719 3168.437744,1845.746460
	C3137.721680,1805.193115 3100.621582,1770.880493 3064.844727,1735.265747
	C3053.179199,1723.653076 3038.650879,1714.972900 3026.344238,1703.934448
	C3006.489990,1686.126099 2983.863037,1672.187256 2962.466553,1656.545044
	C2953.918945,1650.296387 2944.290283,1645.543823 2935.540527,1639.545654
	C2932.509521,1637.467896 2930.648682,1633.683594 2928.076660,1629.266968
	C2936.121094,1627.858521 2944.341797,1627.862183 2954.317871,1628.035034
	C2955.951660,1633.890015 2960.460693,1635.860840 2964.211426,1638.560913
	C2981.412842,1650.943359 2999.018799,1662.824585 3015.601807,1675.990967
	C3037.881836,1693.680542 3061.168213,1710.170776 3081.032471,1730.843872
	C3100.395508,1750.995239 3120.284424,1770.653442 3140.301025,1790.160400
	C3155.559082,1805.029907 3168.345947,1821.867920 3181.691650,1838.366821
	C3200.051514,1861.064331 3217.494141,1884.360962 3233.904785,1908.462891
	C3236.605713,1912.430054 3239.037354,1916.325439 3246.060059,1915.924561
	C3247.957520,1925.476929 3248.433105,1934.999878 3248.483398,1946.265137
z"/>
<path fill="#09183A" opacity="1.000000" stroke="none"
	d="
M3247.653564,1896.442627
	C3248.058594,1896.121948 3248.335205,1897.704346 3248.298828,1898.506592
	C3247.249512,1898.783569 3246.911621,1897.934937 3247.653564,1896.442627
z"/>
<path fill="#293859" opacity="1.000000" stroke="none"
	d="
M2760.137695,3455.892822
	C2760.137695,3455.892822 2758.145996,3455.934082 2757.151855,3455.954346
	C2745.812988,3446.118164 2735.468018,3436.261475 2725.176758,3423.972412
	C2730.243408,3418.482910 2734.924805,3414.533447 2740.327637,3412.523926
	C2762.621582,3404.232666 2785.337891,3397.054932 2807.506836,3388.456787
	C2827.770264,3380.597656 2847.700928,3371.811035 2867.451660,3362.723145
	C2881.813721,3356.114502 2895.544922,3348.148438 2909.745361,3341.170654
	C2919.220947,3336.514893 2928.857910,3331.964844 2939.839355,3332.121094
	C2941.073730,3341.950195 2938.051025,3351.240479 2936.244141,3362.270264
	C2935.636475,3368.597168 2935.010742,3373.336182 2931.867676,3379.172119
	C2928.705078,3380.414551 2928.000488,3380.439697 2927.422363,3380.722900
	C2875.845947,3405.960938 2823.342773,3428.926514 2768.414307,3446.017090
	C2763.853760,3447.436279 2760.122803,3450.281250 2760.137695,3455.892822
z"/>
<path fill="#36476D" opacity="1.000000" stroke="none"
	d="
M2761.291016,3456.548340
	C2760.122803,3450.281250 2763.853760,3447.436279 2768.414307,3446.017090
	C2823.342773,3428.926514 2875.845947,3405.960938 2927.422363,3380.722900
	C2928.000488,3380.439697 2928.705078,3380.414551 2930.829590,3380.152344
	C2931.560791,3395.020996 2933.297607,3410.241943 2926.267090,3426.421387
	C2915.502686,3427.015869 2907.587158,3429.890381 2899.772217,3434.035400
	C2873.938232,3447.736328 2846.451904,3457.535156 2819.144043,3467.754150
	C2812.958008,3470.068848 2806.756836,3472.601807 2801.096680,3475.940186
	C2798.722900,3477.340576 2797.739746,3481.098389 2796.124512,3483.784668
	C2784.898193,3474.924316 2773.671387,3466.064209 2761.291016,3456.548340
z"/>
<path fill="#445881" opacity="1.000000" stroke="none"
	d="
M2797.263428,3484.491699
	C2797.739746,3481.098389 2798.722900,3477.340576 2801.096680,3475.940186
	C2806.756836,3472.601807 2812.958008,3470.068848 2819.144043,3467.754150
	C2846.451904,3457.535156 2873.938232,3447.736328 2899.772217,3434.035400
	C2907.587158,3429.890381 2915.502686,3427.015869 2926.065918,3428.087646
	C2926.391113,3438.963867 2925.122803,3449.793945 2923.758301,3462.309082
	C2921.979492,3467.597168 2920.297119,3471.200195 2916.712158,3474.563477
	C2908.990723,3470.481445 2903.606934,3472.651123 2897.897705,3475.037598
	C2880.811279,3482.179932 2863.696533,3489.290527 2846.340332,3495.732666
	C2839.602295,3498.233643 2835.003174,3502.243164 2831.734375,3508.291992
	C2820.623779,3500.594238 2809.512939,3492.896484 2797.263428,3484.491699
z"/>
<path fill="#1C2844" opacity="1.000000" stroke="none"
	d="
M2939.911133,3330.267334
	C2928.857910,3331.964844 2919.220947,3336.514893 2909.745361,3341.170654
	C2895.544922,3348.148438 2881.813721,3356.114502 2867.451660,3362.723145
	C2847.700928,3371.811035 2827.770264,3380.597656 2807.506836,3388.456787
	C2785.337891,3397.054932 2762.621582,3404.232666 2740.327637,3412.523926
	C2734.924805,3414.533447 2730.243408,3418.482910 2724.556641,3422.792969
	C2712.555176,3413.868164 2701.227539,3403.689941 2689.439453,3393.098389
	C2690.009521,3385.366455 2695.258301,3382.281250 2701.986816,3380.177734
	C2722.231934,3373.847656 2742.475830,3367.502441 2762.607422,3360.822510
	C2789.694336,3351.835205 2816.520264,3342.247559 2842.000977,3329.092529
	C2857.315430,3321.186279 2873.517090,3315.013916 2888.981934,3307.377686
	C2900.268066,3301.804932 2910.867920,3294.855469 2922.047852,3289.048096
	C2926.651855,3286.656250 2931.974854,3285.649170 2938.480469,3284.001465
	C2939.987793,3298.798340 2939.985596,3313.605957 2939.911133,3330.267334
z"/>
<path fill="#030710" opacity="1.000000" stroke="none"
	d="
M2867.688965,3240.137939
	C2868.479004,3240.161865 2869.269287,3240.185791 2872.070801,3241.536865
	C2877.414307,3243.214111 2880.746826,3243.563965 2884.079346,3243.914062
	C2884.079346,3243.914062 2884.021729,3243.986084 2884.051270,3243.949463
	C2884.105225,3255.076660 2873.604736,3256.563721 2867.274414,3261.625732
	C2862.333984,3265.576172 2855.895264,3264.481934 2850.098633,3262.727051
	C2841.888184,3260.241455 2833.639648,3257.763916 2825.684326,3254.589600
	C2819.126709,3251.972900 2813.149658,3251.843994 2806.554932,3254.520508
	C2790.682129,3260.961426 2774.437988,3266.509521 2758.696289,3273.241211
	C2751.280762,3276.412598 2746.616943,3283.113770 2742.790039,3290.342285
	C2738.165771,3299.076904 2732.704834,3307.365234 2727.959473,3316.040283
	C2724.671387,3322.051270 2719.736572,3324.214355 2713.250488,3323.990723
	C2707.962646,3323.808594 2702.670410,3323.761475 2696.129639,3322.214844
	C2697.925781,3315.184570 2700.972412,3309.594238 2705.182129,3303.381348
	C2709.459961,3296.480713 2712.574951,3290.202637 2716.742188,3282.909424
	C2720.633545,3273.297607 2723.472900,3264.701172 2726.987305,3254.873535
	C2728.561035,3247.905273 2729.459229,3242.167725 2730.956055,3234.985352
	C2731.689453,3225.032471 2731.824219,3216.524658 2732.224121,3206.263672
	C2731.719238,3195.153564 2730.949463,3185.796387 2730.587402,3174.911865
	C2735.853516,3159.239014 2738.758545,3157.731445 2752.297363,3162.430664
	C2753.536621,3162.860596 2754.663574,3163.614258 2756.390381,3165.391602
	C2761.917480,3172.440186 2766.896729,3178.314941 2772.419922,3185.340820
	C2777.877686,3191.131836 2782.791504,3195.771973 2788.324707,3201.581055
	C2796.378418,3207.516602 2803.812988,3212.283447 2812.157227,3218.086914
	C2823.397217,3223.365234 2833.727539,3227.606934 2843.884277,3232.107422
	C2843.710449,3232.366211 2843.733154,3232.989014 2844.364258,3233.790283
	C2846.291992,3234.816162 2847.588623,3235.040771 2850.107910,3235.416016
	C2852.897461,3236.049316 2854.464111,3236.531250 2856.901367,3237.935547
	C2861.077881,3239.284912 2864.383301,3239.711426 2867.688965,3240.137939
z"/>
<path fill="#9CA8BC" opacity="1.000000" stroke="none"
	d="
M2704.019043,3304.003906
	C2700.972412,3309.594238 2697.925781,3315.184570 2694.280273,3322.033203
	C2692.292480,3324.505127 2690.903564,3325.719238 2687.595947,3326.199951
	C2681.801758,3325.345703 2677.760254,3324.444092 2674.077393,3325.228027
	C2646.362549,3331.127930 2618.753418,3337.523438 2591.033691,3343.399170
	C2581.375488,3345.446045 2571.534668,3347.380371 2561.715088,3347.761230
	C2541.902100,3348.528564 2522.477539,3354.227051 2502.461182,3352.156982
	C2499.900635,3351.892090 2496.980225,3352.193848 2494.643799,3353.201172
	C2486.360352,3356.773926 2477.697510,3355.920654 2469.108398,3355.979736
	C2457.155273,3356.061768 2445.191895,3356.298096 2433.249023,3355.934814
	C2412.797607,3355.312988 2392.123535,3358.496338 2371.954346,3352.300293
	C2368.905762,3351.363525 2365.353027,3352.059570 2362.033447,3352.015869
	C2350.141602,3351.858887 2338.343262,3352.429688 2326.586670,3348.728027
	C2317.880615,3345.986816 2308.485840,3344.969971 2299.314941,3344.260010
	C2278.170410,3342.623291 2257.668213,3338.073486 2237.083252,3333.196533
	C2220.491943,3329.265625 2204.052979,3323.436768 2186.544678,3324.396973
	C2183.917236,3321.567383 2181.290039,3318.737793 2177.530273,3314.326172
	C2175.776611,3311.541992 2175.452881,3310.263916 2176.385742,3307.677246
	C2182.331299,3302.858643 2187.229004,3304.849609 2192.512695,3306.062988
	C2227.937012,3314.198242 2262.786133,3324.727295 2299.162598,3328.867432
	C2321.460693,3331.405029 2343.493896,3336.239258 2366.097900,3336.040283
	C2368.753174,3336.016846 2371.649170,3335.626953 2374.028809,3336.503906
	C2387.577637,3341.498047 2401.627930,3339.831787 2415.518311,3339.950928
	C2436.820312,3340.133789 2458.125000,3340.032471 2479.428711,3339.964844
	C2484.743896,3339.947754 2490.483887,3340.821045 2495.285400,3339.149902
	C2505.704346,3335.523438 2516.250488,3336.156982 2526.851318,3335.978271
	C2530.838623,3335.910889 2534.894043,3336.085938 2538.796631,3335.428223
	C2560.275391,3331.807861 2581.595703,3326.880371 2603.201172,3324.473633
	C2629.710693,3321.520752 2654.874023,3313.323486 2680.508057,3307.023682
	C2688.405762,3305.082520 2696.040527,3303.937256 2704.019043,3304.003906
z"/>
<path fill="#AEB9CD" opacity="1.000000" stroke="none"
	d="
M2187.059570,3325.695312
	C2204.052979,3323.436768 2220.491943,3329.265625 2237.083252,3333.196533
	C2257.668213,3338.073486 2278.170410,3342.623291 2299.314941,3344.260010
	C2308.485840,3344.969971 2317.880615,3345.986816 2326.586670,3348.728027
	C2338.343262,3352.429688 2350.141602,3351.858887 2362.033447,3352.015869
	C2365.353027,3352.059570 2368.905762,3351.363525 2371.954346,3352.300293
	C2392.123535,3358.496338 2412.797607,3355.312988 2433.249023,3355.934814
	C2445.191895,3356.298096 2457.155273,3356.061768 2469.108398,3355.979736
	C2477.697510,3355.920654 2486.360352,3356.773926 2494.643799,3353.201172
	C2496.980225,3352.193848 2499.900635,3351.892090 2502.461182,3352.156982
	C2522.477539,3354.227051 2541.902100,3348.528564 2561.715088,3347.761230
	C2571.534668,3347.380371 2581.375488,3345.446045 2591.033691,3343.399170
	C2618.753418,3337.523438 2646.362549,3331.127930 2674.077393,3325.228027
	C2677.760254,3324.444092 2681.801758,3325.345703 2686.716309,3326.496094
	C2680.889893,3335.714844 2674.024658,3343.904053 2664.921875,3351.332275
	C2655.051270,3346.559326 2647.505615,3348.231201 2639.549561,3350.023926
	C2617.621094,3354.964600 2595.660400,3360.017334 2573.469482,3363.456299
	C2555.859131,3366.184814 2537.889648,3366.596191 2520.079834,3368.038086
	C2517.428955,3368.252441 2514.506348,3367.824463 2512.175049,3368.802979
	C2501.927490,3373.104004 2491.216553,3371.893555 2480.622070,3371.970459
	C2464.635254,3372.086670 2448.638428,3372.350098 2432.662109,3371.927734
	C2409.488037,3371.315186 2386.091553,3374.650879 2363.198242,3368.230957
	C2360.717529,3367.535156 2357.862793,3367.766357 2355.236572,3368.060059
	C2337.763428,3370.013672 2320.731201,3365.443848 2303.934570,3362.695557
	C2279.887695,3358.761475 2255.326172,3356.660400 2231.921631,3348.856689
	C2227.711182,3347.452881 2222.683350,3348.180664 2218.060303,3348.429932
	C2214.073975,3348.644775 2212.751221,3351.845215 2212.063232,3355.290039
	C2211.423828,3355.239258 2210.469727,3355.443604 2210.190918,3355.100098
	C2202.609863,3345.765381 2195.097900,3336.374756 2187.059570,3325.695312
z"/>
<path fill="#BAC5D9" opacity="1.000000" stroke="none"
	d="
M2213.265625,3355.907227
	C2212.751221,3351.845215 2214.073975,3348.644775 2218.060303,3348.429932
	C2222.683350,3348.180664 2227.711182,3347.452881 2231.921631,3348.856689
	C2255.326172,3356.660400 2279.887695,3358.761475 2303.934570,3362.695557
	C2320.731201,3365.443848 2337.763428,3370.013672 2355.236572,3368.060059
	C2357.862793,3367.766357 2360.717529,3367.535156 2363.198242,3368.230957
	C2386.091553,3374.650879 2409.488037,3371.315186 2432.662109,3371.927734
	C2448.638428,3372.350098 2464.635254,3372.086670 2480.622070,3371.970459
	C2491.216553,3371.893555 2501.927490,3373.104004 2512.175049,3368.802979
	C2514.506348,3367.824463 2517.428955,3368.252441 2520.079834,3368.038086
	C2537.889648,3366.596191 2555.859131,3366.184814 2573.469482,3363.456299
	C2595.660400,3360.017334 2617.621094,3354.964600 2639.549561,3350.023926
	C2647.505615,3348.231201 2655.051270,3346.559326 2663.686035,3351.875488
	C2661.163574,3356.998779 2657.639648,3360.817871 2653.071045,3364.962402
	C2647.429932,3365.305420 2642.703369,3364.626221 2638.259277,3365.457520
	C2616.229248,3369.577148 2594.379395,3374.446045 2571.936035,3376.398438
	C2554.915039,3377.879150 2538.113037,3381.759277 2521.106934,3383.572021
	C2510.591797,3384.692871 2499.861328,3383.617432 2489.257080,3384.135498
	C2481.388916,3384.520508 2473.586670,3386.434082 2465.722656,3386.695068
	C2449.183105,3387.244629 2432.436035,3388.704834 2416.139160,3386.749512
	C2406.315430,3385.570801 2396.559570,3384.245361 2386.646240,3384.011719
	C2371.466797,3383.654297 2356.432861,3383.053467 2341.214600,3381.072021
	C2326.290039,3379.129150 2311.154297,3377.060547 2296.023193,3375.868164
	C2287.511230,3375.197021 2279.079590,3373.334961 2270.654541,3371.777588
	C2259.653076,3369.743652 2248.742676,3367.137695 2237.680420,3365.575928
	C2235.163330,3365.220703 2232.184326,3368.137695 2228.710449,3370.770020
	C2221.242432,3368.804199 2217.093262,3363.330811 2213.265625,3355.907227
z"/>
<path fill="#111A31" opacity="1.000000" stroke="none"
	d="
M2918.165527,3272.032471
	C2918.291748,3275.461914 2917.417725,3279.952881 2914.696777,3282.070068
	C2908.471924,3286.914307 2901.572754,3291.040039 2894.542725,3294.675293
	C2866.893555,3308.973633 2838.338379,3321.267822 2809.823486,3333.753174
	C2781.790527,3346.027832 2752.701660,3354.766357 2723.852783,3364.387451
	C2713.298828,3367.907471 2702.104492,3369.506592 2689.549316,3371.959473
	C2696.794922,3361.351807 2705.521973,3350.613770 2714.728027,3340.303467
	C2716.704834,3338.089844 2720.283203,3336.923584 2723.345459,3336.121094
	C2756.033936,3327.554932 2786.942383,3314.257812 2817.908691,3301.050293
	C2836.754639,3293.012451 2855.810791,3285.537598 2873.093506,3274.216064
	C2876.100586,3272.246094 2880.668945,3272.192139 2884.537598,3272.094727
	C2895.127930,3271.828613 2905.729492,3272.011230 2918.165527,3272.032471
z"/>
<path fill="#536A99" opacity="1.000000" stroke="none"
	d="
M2832.334717,3509.270508
	C2835.003174,3502.243164 2839.602295,3498.233643 2846.340332,3495.732666
	C2863.696533,3489.290527 2880.811279,3482.179932 2897.897705,3475.037598
	C2903.606934,3472.651123 2908.990723,3470.481445 2915.868896,3475.479492
	C2916.634033,3502.074951 2908.517090,3525.874756 2901.958252,3551.487549
	C2897.002197,3549.522461 2892.573975,3548.458252 2888.894287,3546.183594
	C2875.949219,3538.180420 2863.303467,3529.695068 2850.447266,3521.545410
	C2847.110352,3519.429932 2843.421387,3517.870361 2838.604736,3515.840088
	C2835.855225,3513.832764 2834.395020,3512.040771 2832.334717,3509.270508
z"/>
<path fill="#3D4F76" opacity="1.000000" stroke="none"
	d="
M1760.910767,1654.792725
	C1761.797852,1653.535645 1763.805786,1652.526978 1766.969482,1651.801270
	C1766.093994,1653.069702 1764.062866,1654.055420 1760.910767,1654.792725
z"/>
<path fill="#0A204E" opacity="1.000000" stroke="none"
	d="
M1745.301270,1657.459473
	C1745.312622,1656.473877 1746.130615,1656.115723 1747.751709,1656.096924
	C1747.928467,1657.168213 1747.112793,1657.718384 1745.301270,1657.459473
z"/>
<path fill="#09183A" opacity="1.000000" stroke="none"
	d="
M1927.938721,1496.977173
	C1931.049561,1496.023926 1934.027832,1496.018677 1938.495728,1496.026245
	C1939.972168,1509.488770 1939.958984,1522.938477 1939.932617,1538.227783
	C1936.570923,1545.915771 1935.807129,1552.240356 1935.971313,1558.886597
	C1936.212524,1568.645996 1936.052979,1578.415527 1935.124268,1591.132080
	C1929.337158,1594.605957 1924.489746,1595.128540 1919.725830,1593.903809
	C1920.077148,1585.657593 1918.992554,1578.725098 1920.907349,1572.754272
	C1924.403931,1561.850708 1923.911377,1550.947754 1923.843018,1539.922119
	C1925.167725,1527.671875 1926.492554,1515.421753 1927.644409,1501.490845
	C1927.471436,1499.810181 1927.806274,1497.925171 1927.938721,1496.977173
z"/>
<path fill="#22304E" opacity="1.000000" stroke="none"
	d="
M1922.438965,1540.097534
	C1923.911377,1550.947754 1924.403931,1561.850708 1920.907349,1572.754272
	C1918.992554,1578.725098 1920.077148,1585.657593 1918.469971,1594.005615
	C1915.447266,1595.955688 1913.763550,1596.056519 1912.079956,1596.157349
	C1896.945190,1595.219238 1882.613159,1600.288330 1867.845581,1602.126465
	C1854.356689,1603.805542 1840.943970,1606.097534 1825.794189,1608.128418
	C1825.583252,1605.401123 1826.396484,1601.722290 1828.676758,1600.078613
	C1845.705933,1587.802490 1862.928223,1575.785767 1880.297241,1563.993286
	C1888.435181,1558.468140 1896.961792,1553.499390 1905.447388,1548.508545
	C1910.507446,1545.532471 1915.830078,1543.003052 1922.438965,1540.097534
z"/>
<path fill="#070E22" opacity="1.000000" stroke="none"
	d="
M1912.033325,1597.636841
	C1913.763550,1596.056519 1915.447266,1595.955688 1918.386719,1595.752930
	C1924.489746,1595.128540 1929.337158,1594.605957 1935.121704,1592.950806
	C1941.192993,1595.221436 1946.854736,1596.459229 1954.428101,1595.918213
	C1964.549072,1596.497803 1973.187988,1597.092651 1982.913330,1598.823364
	C1983.906372,1604.868652 1981.895142,1608.789673 1977.582642,1611.171753
	C1973.756226,1613.285034 1972.052368,1616.390015 1970.731567,1622.305298
	C1967.589233,1624.264526 1965.800049,1624.544312 1962.416748,1624.504150
	C1956.520386,1624.421143 1952.218262,1624.658203 1947.916138,1624.895264
	C1942.411865,1624.635376 1936.907593,1624.375366 1928.023438,1623.922852
	C1915.244507,1624.189453 1905.845581,1624.648682 1896.446655,1625.107910
	C1895.834229,1619.421509 1897.985352,1615.062622 1903.084839,1612.521362
	C1908.717163,1609.714844 1912.133423,1605.654663 1912.033325,1597.636841
z"/>
<path fill="#8590A2" opacity="1.000000" stroke="none"
	d="
M1896.246094,1625.730713
	C1905.845581,1624.648682 1915.244507,1624.189453 1926.376221,1624.114502
	C1926.157471,1625.518311 1924.206055,1626.538208 1921.132080,1627.772949
	C1913.011963,1628.102539 1906.014526,1628.217285 1897.306396,1627.957031
	C1895.595703,1627.582031 1896.045532,1626.353394 1896.246094,1625.730713
z"/>
<path fill="#030710" opacity="1.000000" stroke="none"
	d="
M2175.426758,3308.910400
	C2175.452881,3310.263916 2175.776611,3311.541992 2176.514893,3313.732422
	C2172.713379,3323.612061 2171.662109,3324.762451 2166.062500,3322.684082
	C2145.547852,3315.068848 2124.083496,3310.186035 2104.310547,3300.351318
	C2095.464600,3295.951416 2085.412598,3294.031738 2076.373291,3289.954346
	C2053.446045,3279.612793 2030.777832,3268.697021 2008.015259,3257.991455
	C2002.531982,3255.412598 1997.129639,3252.711426 1995.409912,3244.551758
	C1995.079956,3243.160156 1995.202271,3243.257812 1996.053711,3243.337158
	C1998.101929,3243.230469 1999.036377,3242.634033 2001.039062,3241.074219
	C2004.198730,3239.951660 2006.027710,3239.381592 2009.264282,3238.947021
	C2017.775391,3236.668701 2024.879028,3234.254883 2033.396729,3231.859863
	C2041.267700,3229.109619 2047.899902,3226.673828 2054.096924,3223.411865
	C2056.653564,3222.066406 2058.275146,3218.944824 2061.790039,3216.594482
	C2071.763672,3216.103271 2076.922607,3209.915039 2082.783203,3205.019043
	C2085.688232,3202.592529 2088.232666,3199.734131 2091.991699,3196.699219
	C2096.779541,3192.352051 2100.515869,3188.376709 2105.407227,3183.785645
	C2111.103271,3176.862549 2115.644531,3170.555664 2121.490234,3163.584229
	C2138.841553,3157.641602 2141.158447,3158.844482 2147.324219,3177.409180
	C2145.896484,3187.257080 2145.047607,3195.652588 2144.003418,3205.763428
	C2144.093506,3214.367188 2144.379150,3221.255615 2144.531738,3229.672852
	C2145.942871,3238.195312 2147.486572,3245.188965 2149.042236,3253.614990
	C2152.901123,3266.692627 2155.385742,3278.921387 2163.708984,3290.055176
	C2167.761475,3297.214600 2171.593994,3303.062500 2175.426758,3308.910400
z"/>
<path fill="#9CA8BC" opacity="1.000000" stroke="none"
	d="
M2007.856689,3238.811523
	C2006.027710,3239.381592 2004.198730,3239.951660 2000.154785,3240.854492
	C1996.527954,3241.216797 1995.615356,3241.906982 1995.202271,3243.257812
	C1995.202271,3243.257812 1995.079956,3243.160156 1995.019653,3243.105713
	C1990.932129,3243.203857 1986.905029,3243.356445 1981.342285,3241.826172
	C1979.887329,3235.619873 1977.522583,3232.958496 1973.631836,3230.852539
	C1966.052490,3226.749756 1958.405884,3222.658691 1951.304321,3217.805908
	C1926.135254,3200.605713 1900.628662,3183.822510 1876.318726,3165.466064
	C1855.196777,3149.516846 1834.267334,3133.125732 1815.798706,3113.931396
	C1812.153442,3110.143066 1807.462524,3107.379883 1803.640869,3103.737793
	C1796.961426,3097.371826 1790.466309,3090.800537 1784.121582,3084.100098
	C1780.488159,3080.262695 1777.643555,3075.648682 1773.860107,3071.987793
	C1752.833008,3051.643555 1734.179199,3029.310059 1715.858765,3006.507324
	C1697.967285,2984.238525 1681.362549,2961.229248 1666.287476,2937.036621
	C1659.622803,2926.340576 1653.292725,2915.409424 1646.098633,2905.080811
	C1642.116943,2899.364258 1639.307007,2891.581299 1630.305786,2891.353271
	C1631.150024,2883.466309 1631.994141,2875.579346 1633.404297,2865.843506
	C1633.970093,2863.994629 1635.231201,2863.656494 1636.691528,2863.864014
	C1643.237915,2864.972900 1646.132568,2868.318115 1648.333374,2872.732666
	C1651.597290,2879.279785 1654.646118,2886.011230 1658.643188,2892.102051
	C1673.559082,2914.829590 1688.641113,2937.453369 1703.999146,2959.884277
	C1729.533569,2997.177979 1757.840088,3032.212891 1790.023193,3064.037354
	C1804.705566,3078.556152 1818.574585,3093.989746 1834.080322,3107.559570
	C1853.498169,3124.552979 1873.849854,3140.547852 1894.474976,3156.074951
	C1917.735229,3173.585693 1941.074707,3191.058105 1966.492188,3205.502686
	C1978.602661,3212.385010 1990.168579,3220.224121 2002.263062,3227.136719
	C2007.243286,3229.983398 2008.023560,3233.953125 2007.856689,3238.811523
z"/>
<path fill="#AEB9CD" opacity="1.000000" stroke="none"
	d="
M1629.700684,2892.835205
	C1639.307007,2891.581299 1642.116943,2899.364258 1646.098633,2905.080811
	C1653.292725,2915.409424 1659.622803,2926.340576 1666.287476,2937.036621
	C1681.362549,2961.229248 1697.967285,2984.238525 1715.858765,3006.507324
	C1734.179199,3029.310059 1752.833008,3051.643555 1773.860107,3071.987793
	C1777.643555,3075.648682 1780.488159,3080.262695 1784.121582,3084.100098
	C1790.466309,3090.800537 1796.961426,3097.371826 1803.640869,3103.737793
	C1807.462524,3107.379883 1812.153442,3110.143066 1815.798706,3113.931396
	C1834.267334,3133.125732 1855.196777,3149.516846 1876.318726,3165.466064
	C1900.628662,3183.822510 1926.135254,3200.605713 1951.304321,3217.805908
	C1958.405884,3222.658691 1966.052490,3226.749756 1973.631836,3230.852539
	C1977.522583,3232.958496 1979.887329,3235.619873 1979.849365,3241.544434
	C1976.823486,3243.435059 1973.754883,3243.924316 1967.638184,3244.477539
	C1960.386230,3244.303467 1956.182373,3244.065674 1951.978516,3243.827881
	C1951.874634,3238.719727 1949.559204,3234.946045 1945.053589,3232.572266
	C1916.206055,3217.374023 1890.253418,3197.720459 1864.861206,3177.674561
	C1840.500854,3158.443848 1815.756470,3139.420898 1794.390503,3116.559814
	C1781.689941,3102.969971 1768.300171,3090.010498 1754.960205,3077.034668
	C1736.875122,3059.443604 1720.565063,3040.383057 1705.548340,3020.114502
	C1691.775269,3001.524414 1677.066528,2983.623291 1663.437622,2964.932129
	C1655.261719,2953.719238 1648.248413,2941.645264 1640.962158,2929.804688
	C1638.623291,2926.003662 1635.686401,2924.035645 1629.878906,2924.063477
	C1628.666016,2914.132324 1628.880859,2904.224609 1629.700684,2892.835205
z"/>
<path fill="#061232" opacity="1.000000" stroke="none"
	d="
M1950.224243,3244.165527
	C1956.182373,3244.065674 1960.386230,3244.303467 1966.134277,3244.883789
	C1964.623779,3246.179688 1961.573364,3247.933594 1958.513794,3247.949219
	C1944.695557,3248.020508 1930.875000,3247.599854 1915.093262,3246.641113
	C1914.601807,3245.349365 1916.072144,3244.772949 1918.746338,3243.880371
	C1929.456787,3243.877197 1938.963379,3244.190186 1950.224243,3244.165527
z"/>
<path fill="#445881" opacity="1.000000" stroke="none"
	d="
M1948.347778,1443.862427
	C1949.605591,1433.116089 1950.863525,1422.369751 1952.173218,1409.974121
	C1952.225098,1408.324829 1954.139038,1408.117065 1956.673096,1408.051025
	C1963.718628,1407.161865 1968.499878,1407.029419 1972.693604,1405.391968
	C1988.100708,1399.376221 2003.628174,1393.514038 2018.501099,1386.331909
	C2030.958984,1380.315918 2044.614014,1376.666504 2055.806885,1368.074463
	C2064.364014,1374.408325 2072.920898,1380.742310 2082.440430,1389.096924
	C2077.235352,1398.809692 2067.679199,1400.482422 2059.307617,1403.403076
	C2030.522339,1413.445679 2003.087280,1426.610596 1975.204346,1438.703125
	C1966.351685,1442.542480 1957.794067,1444.683594 1948.347778,1443.862427
z"/>
<path fill="#4F6694" opacity="1.000000" stroke="none"
	d="
M2055.707031,1367.272705
	C2044.614014,1376.666504 2030.958984,1380.315918 2018.501099,1386.331909
	C2003.628174,1393.514038 1988.100708,1399.376221 1972.693604,1405.391968
	C1968.499878,1407.029419 1963.718628,1407.161865 1957.632690,1407.976562
	C1955.540283,1396.435669 1959.502808,1385.742432 1964.568848,1373.435303
	C1974.455566,1372.799438 1980.755005,1369.212158 1987.433594,1366.425293
	C2000.064819,1361.154419 2012.966431,1356.531860 2025.755737,1351.639893
	C2029.812134,1353.015625 2034.044556,1354.023682 2037.881714,1355.858032
	C2042.966431,1358.288940 2047.742554,1361.365723 2053.965332,1364.526855
	C2055.279541,1364.889038 2055.607422,1366.471069 2055.707031,1367.272705
z"/>
<path fill="#5C75A6" opacity="1.000000" stroke="none"
	d="
M2025.119995,1350.354492
	C2012.966431,1356.531860 2000.064819,1361.154419 1987.433594,1366.425293
	C1980.755005,1369.212158 1974.455566,1372.799438 1965.255127,1372.103027
	C1963.546753,1354.677368 1969.603882,1338.515259 1973.997559,1320.664673
	C1978.191406,1321.271606 1982.246948,1320.905396 1985.324219,1322.466919
	C1999.478760,1329.649414 2013.028442,1337.854858 2025.119995,1350.354492
z"/>
<path fill="#36476D" opacity="1.000000" stroke="none"
	d="
M1948.159546,1445.557617
	C1957.794067,1444.683594 1966.351685,1442.542480 1975.204346,1438.703125
	C2003.087280,1426.610596 2030.522339,1413.445679 2059.307617,1403.403076
	C2067.679199,1400.482422 2077.235352,1398.809692 2083.606445,1389.745361
	C2097.353516,1396.036499 2108.568848,1406.604736 2120.153076,1418.519775
	C2097.118164,1428.789551 2073.902588,1438.338745 2050.218994,1446.536133
	C2018.893066,1457.378662 1989.116333,1471.551514 1959.513062,1486.227783
	C1955.383057,1488.275391 1951.041992,1489.897461 1945.342896,1491.852173
	C1942.941650,1476.865601 1945.231445,1462.038574 1948.159546,1445.557617
z"/>
<path fill="#8D98AB" opacity="1.000000" stroke="none"
	d="
M1635.573486,2016.018188
	C1635.605591,2014.229980 1635.637695,2012.441772 1637.225830,2009.121460
	C1643.044800,2002.672485 1648.471924,1998.348877 1651.339844,1992.721191
	C1658.305176,1979.052368 1667.382935,1966.720825 1674.889526,1953.489502
	C1693.633179,1920.451538 1717.344360,1891.112915 1740.701172,1861.464355
	C1747.252808,1853.148193 1753.524658,1844.435059 1761.116943,1837.145752
	C1794.177124,1805.404663 1824.518066,1770.960449 1859.862915,1741.420776
	C1880.759888,1723.955688 1902.958130,1708.370605 1924.697266,1692.226074
	C1946.439575,1676.078857 1970.689453,1663.312500 1993.804199,1649.006104
	C1998.876587,1645.866577 2004.034302,1642.778198 2008.670288,1639.064209
	C2010.461304,1637.629395 2010.911377,1634.520996 2011.972412,1632.175049
	C2017.648071,1633.390503 2023.323730,1634.605957 2030.410400,1637.138550
	C2031.821411,1638.455688 2031.978149,1640.027466 2031.843994,1641.433594
	C2029.869263,1645.467773 2028.601440,1649.022217 2026.094360,1650.571777
	C2010.914795,1659.954590 1995.143921,1668.401367 1980.154297,1678.065918
	C1955.720459,1693.819458 1931.304199,1709.668457 1907.694824,1726.611694
	C1888.430664,1740.436890 1870.397827,1755.972534 1851.730225,1770.636719
	C1846.038086,1775.108154 1843.298462,1780.679443 1843.162476,1788.966553
	C1836.287720,1795.161011 1829.890259,1799.974365 1824.137817,1805.463623
	C1809.249756,1819.670288 1794.785522,1834.296387 1782.247803,1851.896484
	C1775.839478,1851.981323 1771.894897,1853.759399 1769.042480,1858.054443
	C1766.497437,1861.886597 1763.830933,1865.698242 1760.769653,1869.117432
	C1745.364258,1886.324097 1731.379272,1904.611328 1717.921143,1923.373779
	C1695.593262,1954.501221 1677.675659,1988.320312 1657.692627,2020.874146
	C1654.050415,2026.807617 1650.891724,2032.291260 1642.188843,2031.472412
	C1639.403564,2025.678589 1637.488525,2020.848389 1635.573486,2016.018188
z"/>
<path fill="#909BAF" opacity="1.000000" stroke="none"
	d="
M2170.486572,1568.550171
	C2176.812988,1567.349243 2182.202881,1567.387085 2187.277588,1566.140991
	C2214.886719,1559.361694 2242.328369,1551.880493 2270.017090,1545.456299
	C2282.187744,1542.632690 2295.058105,1542.748901 2307.161865,1539.730225
	C2324.630371,1535.373657 2342.837891,1537.936768 2360.156982,1532.817993
	C2364.487793,1531.537842 2369.396240,1532.059448 2374.041260,1532.025024
	C2386.679443,1531.931030 2399.328369,1532.275146 2411.954102,1531.863159
	C2419.168945,1531.627930 2426.342529,1530.216797 2433.543457,1529.412598
	C2436.804443,1529.048340 2440.459229,1527.801147 2443.297119,1528.788940
	C2459.560059,1534.448364 2476.284912,1531.125854 2492.773438,1531.930298
	C2503.340088,1532.445679 2514.045410,1530.920166 2524.277100,1535.205811
	C2526.604736,1536.180908 2529.520996,1535.812378 2532.172119,1535.944824
	C2562.619141,1537.464722 2592.533936,1542.683594 2622.188477,1549.373535
	C2646.010986,1554.747803 2669.663086,1560.874390 2693.450684,1566.409424
	C2695.755859,1566.945557 2698.484619,1565.661865 2702.314453,1564.667480
	C2707.562744,1571.027954 2711.512939,1577.943970 2715.064941,1587.211670
	C2712.179932,1589.591553 2709.531738,1590.194580 2707.233398,1589.550415
	C2696.398682,1586.512817 2685.672852,1583.089600 2674.884277,1579.884399
	C2645.698486,1571.213745 2615.792236,1565.664673 2585.872070,1560.506958
	C2560.528809,1556.138184 2535.221191,1550.625854 2509.168213,1551.843140
	C2504.652832,1552.054199 2500.080078,1550.206299 2495.493408,1549.885986
	C2485.616211,1549.196289 2475.713867,1548.596680 2465.819824,1548.559448
	C2462.055664,1548.545288 2460.628906,1552.134766 2458.051025,1555.639893
	C2442.867432,1555.698486 2429.502930,1555.648193 2415.712891,1554.067017
	C2413.158203,1548.148926 2409.100098,1548.269287 2405.084473,1548.013428
	C2391.725830,1547.162354 2378.726074,1550.777588 2365.653809,1551.414307
	C2349.727783,1552.189941 2334.019043,1553.767578 2318.301758,1556.028320
	C2306.538086,1557.720459 2294.599854,1558.574707 2283.018799,1561.089844
	C2252.691895,1567.676392 2222.146729,1573.440186 2192.577148,1583.192871
	C2186.939453,1585.052246 2181.053223,1586.202637 2175.233154,1587.453613
	C2170.297852,1588.514404 2165.991943,1587.437744 2163.143066,1582.815674
	C2165.230225,1578.275879 2167.317383,1573.736084 2170.486572,1568.550171
z"/>
<path fill="#9CA8BC" opacity="1.000000" stroke="none"
	d="
M2011.281250,1631.763184
	C2010.911377,1634.520996 2010.461304,1637.629395 2008.670288,1639.064209
	C2004.034302,1642.778198 1998.876587,1645.866577 1993.804199,1649.006104
	C1970.689453,1663.312500 1946.439575,1676.078857 1924.697266,1692.226074
	C1902.958130,1708.370605 1880.759888,1723.955688 1859.862915,1741.420776
	C1824.518066,1770.960449 1794.177124,1805.404663 1761.116943,1837.145752
	C1753.524658,1844.435059 1747.252808,1853.148193 1740.701172,1861.464355
	C1717.344360,1891.112915 1693.633179,1920.451538 1674.889526,1953.489502
	C1667.382935,1966.720825 1658.305176,1979.052368 1651.339844,1992.721191
	C1648.471924,1998.348877 1643.044800,2002.672485 1637.417847,2007.789795
	C1634.336426,1999.763916 1632.619019,1991.537720 1632.575928,1981.512451
	C1636.918823,1976.969238 1640.182495,1974.594727 1642.156006,1971.418579
	C1652.305176,1955.086548 1661.312622,1937.985229 1672.264893,1922.227295
	C1685.477417,1903.217041 1700.976440,1885.794312 1714.161987,1866.767212
	C1733.921631,1838.253662 1759.662598,1815.065308 1781.820190,1788.701294
	C1791.091187,1777.669922 1803.674927,1769.478149 1814.321289,1759.533691
	C1829.348145,1745.497681 1842.816895,1729.867065 1859.848145,1717.900879
	C1875.538940,1706.876343 1890.014526,1694.107666 1905.814331,1683.256226
	C1928.226074,1667.863770 1951.355957,1653.516602 1974.192017,1638.743042
	C1977.837280,1636.384766 1979.804810,1633.206055 1980.719238,1628.513550
	C1982.792847,1628.081055 1983.622681,1627.910156 1985.416626,1627.482666
	C1986.380737,1627.226074 1988.179565,1626.362549 1988.179565,1626.362549
	C1991.118042,1626.923828 1994.056519,1627.484985 1999.317505,1629.340332
	C2004.087891,1630.842773 2006.535645,1631.051025 2008.983521,1631.259277
	C2008.983521,1631.259277 2010.590088,1631.351318 2011.281250,1631.763184
z"/>
<path fill="#7D889C" opacity="1.000000" stroke="none"
	d="
M2162.076172,1583.763184
	C2165.991943,1587.437744 2170.297852,1588.514404 2175.233154,1587.453613
	C2181.053223,1586.202637 2186.939453,1585.052246 2192.577148,1583.192871
	C2222.146729,1573.440186 2252.691895,1567.676392 2283.018799,1561.089844
	C2294.599854,1558.574707 2306.538086,1557.720459 2318.301758,1556.028320
	C2334.019043,1553.767578 2349.727783,1552.189941 2365.653809,1551.414307
	C2378.726074,1550.777588 2391.725830,1547.162354 2405.084473,1548.013428
	C2409.100098,1548.269287 2413.158203,1548.148926 2414.119385,1554.393311
	C2393.322021,1559.798950 2373.880615,1564.080566 2355.316895,1571.599976
	C2344.864258,1575.833984 2334.492432,1580.267700 2323.139160,1583.378418
	C2318.351807,1581.513428 2314.289795,1579.742676 2310.702637,1580.434448
	C2288.025879,1584.808228 2265.269043,1588.996704 2242.894531,1594.653320
	C2215.313965,1601.626221 2188.092529,1610.014282 2160.683105,1617.673950
	C2156.907227,1618.729126 2152.944092,1619.113892 2149.067627,1619.809082
	C2150.530518,1607.253052 2155.652588,1595.942017 2162.076172,1583.763184
z"/>
<path fill="#394254" opacity="1.000000" stroke="none"
	d="
M2116.100830,1699.889893
	C2119.141846,1702.405762 2122.117188,1705.006714 2125.237305,1707.420532
	C2132.823975,1713.290405 2136.988525,1712.993530 2143.992920,1705.620361
	C2145.720215,1703.802490 2146.434082,1701.021973 2149.371338,1697.155029
	C2167.251465,1689.825195 2183.200195,1683.461304 2199.557861,1678.424683
	C2210.145020,1675.164917 2220.812256,1671.104492 2231.704834,1673.286133
	C2224.785400,1685.734741 2218.478027,1696.922607 2211.202637,1707.005127
	C2205.096680,1702.917969 2200.209229,1704.227295 2195.164062,1706.425415
	C2189.148193,1709.046509 2183.043457,1711.530762 2176.817383,1713.591553
	C2149.912842,1722.497314 2124.041992,1733.810669 2098.805420,1746.635010
	C2095.282471,1748.425293 2091.371094,1749.804077 2088.453857,1752.318481
	C2086.215088,1754.248291 2085.258545,1757.665894 2082.157959,1760.343994
	C2067.045898,1756.035034 2052.641113,1754.797974 2040.331787,1747.190918
	C2055.738525,1732.101318 2074.234863,1724.646606 2092.265625,1716.510376
	C2101.342041,1712.414917 2110.335449,1708.569336 2116.100830,1699.889893
z"/>
<path fill="#7D889C" opacity="1.000000" stroke="none"
	d="
M1843.933594,1787.893311
	C1843.298462,1780.679443 1846.038086,1775.108154 1851.730225,1770.636719
	C1870.397827,1755.972534 1888.430664,1740.436890 1907.694824,1726.611694
	C1931.304199,1709.668457 1955.720459,1693.819458 1980.154297,1678.065918
	C1995.143921,1668.401367 2010.914795,1659.954590 2026.094360,1650.571777
	C2028.601440,1649.022217 2029.869263,1645.467773 2033.151367,1641.331421
	C2035.451782,1639.662354 2036.310913,1639.501587 2037.169922,1639.340698
	C2042.889404,1641.515137 2048.608887,1643.689697 2055.045166,1648.241699
	C2053.393555,1653.635254 2051.628662,1657.654907 2048.557129,1659.502319
	C2030.951294,1670.091187 2013.243164,1680.548340 1995.176270,1690.323120
	C1967.091187,1705.518188 1941.634155,1724.606079 1915.611694,1742.869751
	C1911.126099,1746.017944 1907.924072,1750.243896 1907.041260,1757.164551
	C1887.977905,1764.438599 1870.224854,1771.339722 1854.419312,1782.468872
	C1851.231567,1784.713501 1847.444458,1786.107300 1843.933594,1787.893311
z"/>
<path fill="#070E22" opacity="1.000000" stroke="none"
	d="
M2012.972412,1601.205566
	C2026.774780,1588.505737 2044.335815,1582.028564 2060.925537,1573.884644
	C2074.573486,1567.184692 2088.958008,1561.942871 2103.165283,1556.439941
	C2114.239502,1552.150635 2125.459717,1548.186157 2136.793213,1544.647583
	C2140.468994,1543.500000 2144.708252,1544.157593 2150.339844,1543.984985
	C2145.864014,1554.858398 2139.557617,1565.640381 2133.693115,1576.657227
	C2131.027832,1581.664185 2127.099609,1584.680054 2122.087158,1586.758911
	C2106.311279,1593.302612 2090.635010,1600.097168 2074.758789,1606.386719
	C2062.391357,1611.286133 2049.927734,1614.706909 2036.519531,1608.944580
	C2029.362793,1605.869019 2021.485962,1604.468750 2012.972412,1601.205566
z"/>
<path fill="#6A7588" opacity="1.000000" stroke="none"
	d="
M2148.499512,1621.250122
	C2152.944092,1619.113892 2156.907227,1618.729126 2160.683105,1617.673950
	C2188.092529,1610.014282 2215.313965,1601.626221 2242.894531,1594.653320
	C2265.269043,1588.996704 2288.025879,1584.808228 2310.702637,1580.434448
	C2314.289795,1579.742676 2318.351807,1581.513428 2322.331299,1584.395508
	C2309.761963,1595.143066 2297.055908,1603.640747 2282.604980,1612.094849
	C2272.929199,1612.078857 2265.221191,1612.218262 2257.357178,1614.786011
	C2242.312500,1619.698730 2227.047363,1624.658936 2211.482178,1627.043335
	C2196.882324,1629.279907 2183.698730,1635.195068 2169.989746,1639.560913
	C2161.596436,1642.233765 2153.657471,1644.560669 2144.912842,1643.831299
	C2145.919189,1636.784546 2146.925537,1629.737915 2148.499512,1621.250122
z"/>
<path fill="#555E70" opacity="1.000000" stroke="none"
	d="
M2115.571777,1698.727173
	C2110.335449,1708.569336 2101.342041,1712.414917 2092.265625,1716.510376
	C2074.234863,1724.646606 2055.738525,1732.101318 2038.509521,1747.107056
	C2020.006958,1747.621338 2003.941895,1746.965332 1987.942017,1744.943359
	C1989.104614,1741.259644 1989.568481,1737.894165 1991.398315,1736.787231
	C2008.442749,1726.477295 2025.688110,1716.496948 2042.945312,1706.542725
	C2053.302490,1700.568604 2063.652344,1694.557251 2074.254395,1689.041138
	C2081.854248,1685.087158 2089.049072,1679.803833 2098.196289,1679.710815
	C2101.164551,1681.987305 2104.505615,1683.919434 2107.005371,1686.628296
	C2110.054199,1689.932739 2112.395508,1693.889648 2115.571777,1698.727173
z"/>
<path fill="#677083" opacity="1.000000" stroke="none"
	d="
M2097.573486,1678.438721
	C2089.049072,1679.803833 2081.854248,1685.087158 2074.254395,1689.041138
	C2063.652344,1694.557251 2053.302490,1700.568604 2042.945312,1706.542725
	C2025.688110,1716.496948 2008.442749,1726.477295 1991.398315,1736.787231
	C1989.568481,1737.894165 1989.104614,1741.259644 1986.163818,1745.361572
	C1972.191772,1747.345459 1960.062866,1747.545044 1948.101807,1746.367188
	C1951.066772,1737.046997 1957.207764,1732.173462 1964.058105,1728.047729
	C1968.005249,1725.670654 1972.359009,1723.932495 1976.169922,1721.371460
	C2004.576172,1702.281494 2034.121704,1685.265015 2065.165527,1670.775757
	C2069.545166,1668.731812 2072.471924,1663.574707 2076.071045,1659.858398
	C2084.240967,1664.168213 2091.648682,1669.397217 2097.573486,1678.438721
z"/>
<path fill="#5B6477" opacity="1.000000" stroke="none"
	d="
M2144.525879,1645.517578
	C2153.657471,1644.560669 2161.596436,1642.233765 2169.989746,1639.560913
	C2183.698730,1635.195068 2196.882324,1629.279907 2211.482178,1627.043335
	C2227.047363,1624.658936 2242.312500,1619.698730 2257.357178,1614.786011
	C2265.221191,1612.218262 2272.929199,1612.078857 2281.958496,1613.264404
	C2272.864990,1624.352051 2262.673340,1634.226440 2250.730469,1644.061279
	C2243.084961,1644.283447 2236.895020,1643.471191 2231.348877,1644.997925
	C2210.549316,1650.722778 2189.721924,1656.538818 2169.407959,1663.740112
	C2161.072510,1666.695190 2153.126709,1668.326050 2144.520752,1667.881958
	C2144.393555,1660.989258 2144.266357,1654.096558 2144.525879,1645.517578
z"/>
<path fill="#707B8E" opacity="1.000000" stroke="none"
	d="
M2075.316406,1658.785522
	C2072.471924,1663.574707 2069.545166,1668.731812 2065.165527,1670.775757
	C2034.121704,1685.265015 2004.576172,1702.281494 1976.169922,1721.371460
	C1972.359009,1723.932495 1968.005249,1725.670654 1964.058105,1728.047729
	C1957.207764,1732.173462 1951.066772,1737.046997 1946.545898,1746.582031
	C1932.562988,1750.843262 1920.303833,1753.512329 1908.044678,1756.181274
	C1907.924072,1750.243896 1911.126099,1746.017944 1915.611694,1742.869751
	C1941.634155,1724.606079 1967.091187,1705.518188 1995.176270,1690.323120
	C2013.243164,1680.548340 2030.951294,1670.091187 2048.557129,1659.502319
	C2051.628662,1657.654907 2053.393555,1653.635254 2055.930176,1649.204590
	C2062.252930,1651.097656 2068.407471,1654.405151 2075.316406,1658.785522
z"/>
<path fill="#4C5467" opacity="1.000000" stroke="none"
	d="
M2144.305176,1669.480957
	C2153.126709,1668.326050 2161.072510,1666.695190 2169.407959,1663.740112
	C2189.721924,1656.538818 2210.549316,1650.722778 2231.348877,1644.997925
	C2236.895020,1643.471191 2243.084961,1644.283447 2250.123047,1645.285522
	C2245.508789,1655.457031 2241.074219,1665.348877 2232.316650,1672.025391
	C2220.812256,1671.104492 2210.145020,1675.164917 2199.557861,1678.424683
	C2183.200195,1683.461304 2167.251465,1689.825195 2149.674316,1695.770264
	C2146.842529,1687.636108 2145.466064,1679.358032 2144.305176,1669.480957
z"/>
<path fill="#909BAF" opacity="1.000000" stroke="none"
	d="
M1984.452515,1627.739258
	C1983.622681,1627.910156 1982.792847,1628.081055 1979.358887,1628.329834
	C1972.324097,1627.862915 1967.436646,1628.942749 1964.010986,1624.824219
	C1965.800049,1624.544312 1967.589233,1624.264526 1970.715820,1623.716064
	C1974.741821,1623.881348 1977.430176,1624.315186 1981.842041,1625.553223
	C1983.565552,1626.357422 1984.452515,1627.739258 1984.452515,1627.739258
z"/>
<path fill="#6C7D9E" opacity="1.000000" stroke="none"
	d="
M2008.094604,1630.372070
	C2006.535645,1631.051025 2004.087891,1630.842773 2000.769043,1629.711914
	C2002.333984,1629.020996 2004.769897,1629.252930 2008.094604,1630.372070
z"/>
<path fill="#6D778A" opacity="1.000000" stroke="none"
	d="
M2036.481934,1638.517456
	C2036.310913,1639.501587 2035.451782,1639.662354 2033.285400,1639.925293
	C2031.978149,1640.027466 2031.821411,1638.455688 2031.780518,1637.668091
	C2033.090942,1637.151733 2034.442505,1637.422974 2036.481934,1638.517456
z"/>
<path fill="#22304E" opacity="1.000000" stroke="none"
	d="
M1985.416626,1627.482666
	C1984.452515,1627.739258 1983.565552,1626.357422 1983.206421,1625.619141
	C1984.158813,1624.883911 1985.470337,1624.886841 1987.480713,1625.626221
	C1988.179565,1626.362549 1986.380737,1627.226074 1985.416626,1627.482666
z"/>
<path fill="#111A31" opacity="1.000000" stroke="none"
	d="
M1500.084106,2685.526855
	C1505.999634,2683.905518 1509.572510,2687.883057 1513.505005,2691.487549
	C1523.225464,2700.396973 1533.240479,2708.987793 1542.864258,2717.998291
	C1545.134644,2720.123779 1546.820801,2723.217041 1547.921509,2726.182373
	C1550.908447,2734.227539 1553.584595,2742.397217 1556.119995,2750.599365
	C1563.944458,2775.910156 1574.557739,2800.077881 1585.970703,2823.919678
	C1591.366577,2835.192139 1598.286621,2845.970215 1601.922607,2857.771240
	C1604.521118,2866.205078 1604.532837,2876.366455 1602.541260,2885.031250
	C1600.414185,2894.285645 1600.342896,2903.323486 1599.940674,2914.308105
	C1592.891357,2915.903320 1589.594360,2911.341553 1586.813721,2905.643066
	C1578.977539,2889.583984 1570.859009,2873.662354 1562.874634,2857.675293
	C1539.200806,2810.274170 1521.767334,2760.430176 1505.404663,2710.186279
	C1502.971191,2702.713867 1501.822754,2694.822754 1500.084106,2685.526855
z"/>
<path fill="#04060F" opacity="1.000000" stroke="none"
	d="
M1635.231201,2863.656494
	C1635.231201,2863.656494 1633.970093,2863.994629 1633.333618,2864.138916
	C1629.180054,2862.666992 1624.751343,2861.881348 1622.352051,2859.246826
	C1618.393066,2854.900635 1615.745483,2849.360107 1611.911865,2843.325928
	C1615.155640,2833.216797 1618.753540,2822.580322 1621.965576,2811.828369
	C1625.092651,2801.360840 1624.887207,2791.163086 1620.478271,2780.743896
	C1608.815186,2753.181885 1609.329468,2752.503174 1581.774658,2739.265869
	C1569.625610,2733.429443 1563.261719,2724.630615 1560.879028,2712.273193
	C1560.316528,2709.356201 1562.082642,2705.990234 1564.317993,2701.543945
	C1565.858276,2700.257080 1567.768433,2700.139160 1568.505615,2701.130859
	C1572.822876,2703.984375 1576.402954,2705.846191 1581.074707,2708.427246
	C1585.374023,2710.441650 1588.581665,2711.737549 1592.680176,2714.052979
	C1602.346680,2717.854004 1611.122314,2720.635498 1621.330322,2724.192871
	C1633.530029,2729.094971 1644.781372,2728.467285 1657.028320,2729.233887
	C1666.683472,2729.272461 1675.291138,2728.425293 1685.551514,2727.750732
	C1692.703003,2727.474121 1698.201782,2727.025146 1704.996460,2727.114258
	C1717.459229,2733.536621 1715.127441,2742.268066 1710.102295,2751.707520
	C1704.573486,2755.795410 1700.226929,2759.493896 1694.572510,2763.623047
	C1683.342651,2769.389160 1676.117065,2777.325195 1669.859619,2788.008789
	C1664.034668,2796.268311 1659.273193,2803.739502 1653.575439,2812.163330
	C1648.828735,2822.136719 1645.018188,2831.156982 1640.556030,2841.557617
	C1638.346680,2849.843750 1636.788940,2856.750244 1635.231201,2863.656494
z"/>
<path fill="#9CA8BC" opacity="1.000000" stroke="none"
	d="
M1567.768433,2700.139160
	C1567.768433,2700.139160 1565.858276,2700.257080 1564.901489,2700.238281
	C1560.143066,2697.008301 1556.341431,2693.797363 1553.131104,2688.544189
	C1554.203491,2682.690186 1556.113892,2678.346436 1554.927002,2675.154785
	C1548.657715,2658.297119 1545.202637,2640.775391 1541.802368,2623.256836
	C1535.641235,2591.513672 1527.896973,2559.976318 1527.947144,2527.325195
	C1527.950195,2525.338623 1528.144897,2523.164307 1527.446045,2521.395020
	C1522.636475,2509.218750 1524.093262,2496.501221 1524.038452,2483.940430
	C1523.919556,2456.670410 1523.753906,2429.396484 1524.087769,2402.129883
	C1524.306152,2384.294678 1521.907471,2366.273193 1527.640015,2348.711670
	C1528.823486,2345.086670 1527.892944,2340.784180 1528.017212,2336.796631
	C1528.141479,2332.813965 1527.974854,2328.770508 1528.618408,2324.865967
	C1530.869385,2311.207275 1533.793579,2297.651611 1535.759521,2283.956055
	C1538.670044,2263.681152 1541.257446,2243.399902 1547.320068,2223.710449
	C1550.429077,2213.613525 1552.607178,2203.228271 1555.132568,2192.955078
	C1556.278076,2188.295654 1556.721069,2183.705078 1552.398926,2180.177246
	C1557.925537,2175.976318 1563.452148,2171.775391 1570.377930,2168.931641
	C1564.493408,2202.916992 1556.869385,2235.474609 1550.030518,2268.196045
	C1544.260376,2295.803467 1538.727173,2323.521729 1540.010376,2353.341309
	C1540.005859,2356.448486 1540.005615,2358.224365 1538.814209,2361.173828
	C1537.080322,2366.240234 1535.944092,2370.154785 1536.084595,2374.022949
	C1537.935181,2424.945068 1532.451660,2475.956299 1539.503906,2526.890869
	C1542.207275,2546.414795 1544.500244,2566.020264 1547.357666,2585.566162
	C1551.756958,2615.659912 1558.238770,2645.197266 1566.865601,2674.318848
	C1568.550293,2680.006348 1569.812012,2685.820068 1571.225464,2691.586182
	C1572.120850,2695.239746 1570.711914,2698.011963 1567.768433,2700.139160
z"/>
<path fill="#A3AEC3" opacity="1.000000" stroke="none"
	d="
M1551.232666,2180.460938
	C1556.721069,2183.705078 1556.278076,2188.295654 1555.132568,2192.955078
	C1552.607178,2203.228271 1550.429077,2213.613525 1547.320068,2223.710449
	C1541.257446,2243.399902 1538.670044,2263.681152 1535.759521,2283.956055
	C1533.793579,2297.651611 1530.869385,2311.207275 1528.618408,2324.865967
	C1527.974854,2328.770508 1528.141479,2332.813965 1528.017212,2336.796631
	C1527.892944,2340.784180 1528.823486,2345.086670 1527.640015,2348.711670
	C1521.907471,2366.273193 1524.306152,2384.294678 1524.087769,2402.129883
	C1523.753906,2429.396484 1523.919556,2456.670410 1524.038452,2483.940430
	C1524.093262,2496.501221 1522.636475,2509.218750 1527.446045,2521.395020
	C1528.144897,2523.164307 1527.950195,2525.338623 1527.947144,2527.325195
	C1527.896973,2559.976318 1535.641235,2591.513672 1541.802368,2623.256836
	C1545.202637,2640.775391 1548.657715,2658.297119 1554.927002,2675.154785
	C1556.113892,2678.346436 1554.203491,2682.690186 1552.519165,2687.439453
	C1546.534546,2685.030273 1541.753052,2681.684082 1537.580322,2676.193359
	C1538.615479,2670.838135 1540.144043,2667.295166 1539.292114,2664.469727
	C1533.161255,2644.140625 1528.486572,2623.437012 1525.699707,2602.479736
	C1522.477783,2578.250244 1515.171509,2554.567871 1515.883545,2529.785645
	C1516.014282,2525.229248 1514.657349,2520.634766 1514.040771,2516.051025
	C1513.336060,2510.812256 1511.960938,2505.541748 1512.133301,2500.326416
	C1513.888428,2447.212891 1507.844727,2393.936035 1515.835205,2340.934082
	C1518.198608,2325.258301 1517.914917,2309.156738 1520.667847,2293.572266
	C1525.726685,2264.933105 1532.247437,2236.554443 1537.896851,2208.015381
	C1539.040771,2202.236572 1539.024048,2196.227783 1539.542480,2190.325195
	C1543.050537,2187.131836 1546.558472,2183.938232 1551.232666,2180.460938
z"/>
<path fill="#B1BCD0" opacity="1.000000" stroke="none"
	d="
M1538.376465,2190.828369
	C1539.024048,2196.227783 1539.040771,2202.236572 1537.896851,2208.015381
	C1532.247437,2236.554443 1525.726685,2264.933105 1520.667847,2293.572266
	C1517.914917,2309.156738 1518.198608,2325.258301 1515.835205,2340.934082
	C1507.844727,2393.936035 1513.888428,2447.212891 1512.133301,2500.326416
	C1511.960938,2505.541748 1513.336060,2510.812256 1514.040771,2516.051025
	C1514.657349,2520.634766 1516.014282,2525.229248 1515.883545,2529.785645
	C1515.171509,2554.567871 1522.477783,2578.250244 1525.699707,2602.479736
	C1528.486572,2623.437012 1533.161255,2644.140625 1539.292114,2664.469727
	C1540.144043,2667.295166 1538.615479,2670.838135 1537.068359,2675.040039
	C1531.719116,2672.588867 1527.490356,2669.146484 1523.328857,2662.683105
	C1524.937500,2647.461182 1519.877441,2636.233398 1518.050537,2624.537598
	C1515.199829,2606.287109 1510.420044,2588.292725 1508.368774,2569.975830
	C1506.534302,2553.595459 1501.953125,2537.398926 1503.755981,2520.629639
	C1504.025757,2518.120850 1502.708252,2515.471680 1502.332764,2512.857666
	C1501.489380,2506.984375 1500.143311,2501.095947 1500.113525,2495.208008
	C1499.915161,2455.960938 1499.983887,2416.712158 1500.042358,2377.464111
	C1500.049316,2372.823975 1499.423096,2367.764893 1501.002319,2363.630371
	C1504.466431,2354.560303 1503.814087,2345.334961 1504.028809,2336.068359
	C1504.120972,2332.086914 1504.084839,2328.052246 1504.726196,2324.143311
	C1506.967163,2310.481689 1509.502686,2296.868652 1511.880493,2283.229248
	C1514.942017,2265.667725 1517.169556,2247.908691 1521.328857,2230.612793
	C1523.413086,2221.946045 1524.139038,2213.705811 1523.160156,2205.075439
	C1527.843506,2200.494141 1532.526978,2195.912842 1538.376465,2190.828369
z"/>
<path fill="#BAC5D9" opacity="1.000000" stroke="none"
	d="
M1521.860596,2205.650879
	C1524.139038,2213.705811 1523.413086,2221.946045 1521.328857,2230.612793
	C1517.169556,2247.908691 1514.942017,2265.667725 1511.880493,2283.229248
	C1509.502686,2296.868652 1506.967163,2310.481689 1504.726196,2324.143311
	C1504.084839,2328.052246 1504.120972,2332.086914 1504.028809,2336.068359
	C1503.814087,2345.334961 1504.466431,2354.560303 1501.002319,2363.630371
	C1499.423096,2367.764893 1500.049316,2372.823975 1500.042358,2377.464111
	C1499.983887,2416.712158 1499.915161,2455.960938 1500.113525,2495.208008
	C1500.143311,2501.095947 1501.489380,2506.984375 1502.332764,2512.857666
	C1502.708252,2515.471680 1504.025757,2518.120850 1503.755981,2520.629639
	C1501.953125,2537.398926 1506.534302,2553.595459 1508.368774,2569.975830
	C1510.420044,2588.292725 1515.199829,2606.287109 1518.050537,2624.537598
	C1519.877441,2636.233398 1524.937500,2647.461182 1522.944580,2661.574219
	C1516.665649,2659.218262 1510.838379,2654.949707 1504.876831,2649.322754
	C1509.289185,2647.236328 1512.436157,2644.733887 1511.699097,2639.984619
	C1509.678711,2626.964600 1507.312378,2613.993652 1504.841064,2601.049072
	C1500.623657,2578.959717 1495.766479,2556.966797 1495.984253,2534.291992
	C1496.003418,2532.296143 1496.354126,2530.156494 1495.780518,2528.324951
	C1489.668823,2508.808350 1492.824707,2488.731934 1491.921997,2468.901611
	C1491.652954,2462.990479 1490.214233,2457.139893 1489.784424,2451.227051
	C1489.211426,2443.344482 1487.278076,2434.939209 1489.235596,2427.645996
	C1491.903809,2417.704834 1491.819824,2407.955322 1491.977417,2398.033691
	C1492.093506,2390.712402 1491.601929,2383.361328 1492.082764,2376.069824
	C1493.257812,2358.253906 1493.827637,2340.311035 1496.504639,2322.702148
	C1500.172729,2298.574219 1501.564087,2273.971924 1508.487183,2250.474854
	C1511.780273,2239.297607 1511.956177,2228.261963 1511.938477,2215.302246
	C1514.827393,2211.156494 1517.694214,2208.691406 1521.860596,2205.650879
z"/>
<path fill="#04060F" opacity="1.000000" stroke="none"
	d="
M1634.102295,2016.039551
	C1637.488525,2020.848389 1639.403564,2025.678589 1642.278442,2032.912109
	C1647.415649,2043.583374 1651.593262,2051.851318 1655.937256,2061.479492
	C1662.739990,2071.226318 1669.376587,2079.612793 1676.516602,2089.233154
	C1683.835938,2097.625244 1690.066895,2105.501953 1700.402588,2110.054199
	C1704.620605,2114.070068 1708.271118,2117.063721 1712.431274,2121.214844
	C1715.051880,2125.806641 1715.860840,2129.298096 1713.554077,2133.005859
	C1711.562012,2136.207520 1709.634155,2139.448730 1706.068115,2142.986328
	C1697.990845,2143.009521 1691.523438,2142.718994 1683.593506,2141.736816
	C1673.379150,2140.877441 1664.627197,2140.709717 1654.240967,2140.347900
	C1647.170776,2140.638672 1641.734863,2141.123535 1635.339722,2141.439453
	C1633.008057,2141.497803 1631.958740,2142.205078 1629.822266,2143.431152
	C1625.642212,2143.975098 1622.872681,2144.479736 1619.159302,2144.906738
	C1616.874146,2145.120361 1615.926392,2145.893799 1615.347046,2147.313477
	C1615.321899,2147.477295 1615.642578,2147.560791 1614.359985,2147.572266
	C1611.374878,2147.715576 1609.672241,2147.847656 1607.283203,2147.992432
	C1605.670288,2148.195801 1604.894409,2148.645752 1603.070312,2150.132812
	C1598.592407,2152.698730 1595.313232,2154.486572 1590.744873,2156.366699
	C1586.234741,2157.618652 1583.013794,2158.778076 1579.078857,2160.135010
	C1577.423096,2160.745361 1576.705566,2161.403320 1575.233398,2162.905762
	C1573.500854,2163.640137 1572.747192,2163.774414 1571.993530,2163.908447
	C1569.034180,2158.532715 1567.956909,2153.541016 1570.154297,2147.008545
	C1580.702026,2115.653564 1592.263062,2084.747559 1606.521484,2054.864746
	C1611.355469,2044.733887 1615.526978,2034.288086 1620.069702,2024.016357
	C1622.460693,2018.610474 1626.677246,2015.923462 1634.102295,2016.039551
z"/>
<path fill="#AEB9CD" opacity="1.000000" stroke="none"
	d="
M1962.416748,1624.504150
	C1967.436646,1628.942749 1972.324097,1627.862915 1978.115234,1628.591431
	C1979.804810,1633.206055 1977.837280,1636.384766 1974.192017,1638.743042
	C1951.355957,1653.516602 1928.226074,1667.863770 1905.814331,1683.256226
	C1890.014526,1694.107666 1875.538940,1706.876343 1859.848145,1717.900879
	C1842.816895,1729.867065 1829.348145,1745.497681 1814.321289,1759.533691
	C1803.674927,1769.478149 1791.091187,1777.669922 1781.820190,1788.701294
	C1759.662598,1815.065308 1733.921631,1838.253662 1714.161987,1866.767212
	C1700.976440,1885.794312 1685.477417,1903.217041 1672.264893,1922.227295
	C1661.312622,1937.985229 1652.305176,1955.086548 1642.156006,1971.418579
	C1640.182495,1974.594727 1636.918823,1976.969238 1632.833862,1979.914551
	C1627.065796,1969.506714 1628.400024,1958.302246 1628.370239,1945.603394
	C1633.515625,1943.988403 1637.587402,1943.472046 1640.684814,1938.712402
	C1650.771240,1923.212646 1661.119263,1907.871582 1671.777100,1892.758789
	C1681.285156,1879.275879 1691.141846,1866.026611 1701.190308,1852.939453
	C1724.204346,1822.965576 1749.700928,1795.212402 1776.924072,1769.016602
	C1785.532471,1760.733276 1793.573242,1751.846313 1802.368530,1743.774658
	C1815.025391,1732.159180 1827.794434,1720.616211 1841.142212,1709.816895
	C1856.012085,1697.786255 1871.399048,1686.367432 1886.909302,1675.164429
	C1899.190430,1666.293823 1911.955566,1658.088135 1924.590088,1649.714233
	C1930.653442,1645.695679 1936.964478,1642.052490 1943.061523,1638.082886
	C1946.726318,1635.697144 1947.895264,1631.949951 1947.889282,1626.319336
	C1952.218262,1624.658203 1956.520386,1624.421143 1962.416748,1624.504150
z"/>
<path fill="#939EB2" opacity="1.000000" stroke="none"
	d="
M1571.836914,2164.659668
	C1572.747192,2163.774414 1573.500854,2163.640137 1575.841553,2163.170898
	C1577.428711,2162.835449 1578.681396,2163.271240 1579.861694,2164.094238
	C1581.298828,2167.376465 1582.304199,2170.044189 1581.685791,2172.258789
	C1578.675415,2183.035889 1574.853271,2193.593018 1572.030518,2204.413818
	C1568.034790,2219.730957 1564.405762,2235.156006 1561.097046,2250.636719
	C1557.788940,2266.114746 1553.827759,2281.607910 1552.437256,2297.296875
	C1551.039429,2313.068115 1546.111450,2328.473389 1547.651001,2344.566406
	C1548.108398,2349.348389 1544.346924,2351.342773 1540.014648,2352.009766
	C1538.727173,2323.521729 1544.260376,2295.803467 1550.030518,2268.196045
	C1556.869385,2235.474609 1564.493408,2202.916992 1571.693115,2168.616211
	C1571.609131,2166.943848 1571.680176,2165.410889 1571.836914,2164.659668
z"/>
<path fill="#8D98AB" opacity="1.000000" stroke="none"
	d="
M2856.030518,3237.013184
	C2854.464111,3236.531250 2852.897461,3236.049316 2849.470215,3234.622070
	C2846.317139,3233.447754 2845.025146,3233.218262 2843.733154,3232.989014
	C2843.733154,3232.989014 2843.710449,3232.366211 2843.887695,3230.625977
	C2843.863525,3222.954590 2846.561035,3218.960693 2851.780029,3216.126465
	C2862.822021,3210.129639 2873.586670,3203.617432 2884.677002,3197.714355
	C2908.686279,3184.934570 2930.923584,3169.431152 2952.651855,3153.238281
	C2974.330566,3137.083252 2995.260742,3119.924561 3016.909668,3103.727783
	C3022.479248,3099.560303 3024.264160,3094.784180 3025.241943,3087.703125
	C3043.954102,3074.976807 3058.742432,3059.958740 3074.292969,3044.126465
	C3083.583252,3041.634521 3083.583252,3041.634521 3083.787109,3031.757812
	C3083.801514,3031.774414 3083.667969,3031.699219 3085.160645,3031.775635
	C3092.532471,3032.359131 3096.910889,3029.625244 3100.413086,3025.267090
	C3116.553467,3005.180664 3133.398926,2985.604492 3148.550537,2964.795654
	C3164.107178,2943.429688 3178.376465,2921.088623 3192.483398,2898.717041
	C3203.072266,2881.924316 3212.722168,2864.523682 3222.341553,2847.145752
	C3225.380127,2841.656006 3229.273926,2839.498291 3235.178711,2840.125244
	C3237.267090,2846.856201 3239.355469,2853.587158 3241.451660,2861.839355
	C3233.800049,2863.672852 3230.151611,2868.614502 3226.489502,2874.746094
	C3212.877686,2897.539307 3199.496338,2920.539795 3184.514893,2942.426514
	C3167.685059,2967.013184 3149.940674,2991.059326 3131.288574,3014.292725
	C3105.014893,3047.018555 3075.120605,3076.571045 3044.385986,3105.003906
	C3023.044922,3124.747070 2999.173096,3141.769531 2976.289062,3159.826660
	C2947.043701,3182.903320 2915.187012,3201.987305 2883.074219,3220.711670
	C2876.997314,3224.255127 2869.824463,3227.401855 2865.733887,3236.582031
	C2861.326904,3237.586182 2858.678711,3237.299561 2856.030518,3237.013184
z"/>
<path fill="#808B9E" opacity="1.000000" stroke="none"
	d="
M3319.523193,2447.898682
	C3323.770996,2448.516602 3327.584473,2450.090576 3327.574219,2455.013916
	C3327.560547,2461.610840 3327.025146,2468.222412 3326.391357,2474.796875
	C3325.821533,2480.701904 3323.977783,2486.589600 3324.149902,2492.442139
	C3324.875000,2517.128418 3320.692383,2541.163330 3316.738770,2565.406738
	C3311.195801,2599.396973 3304.766357,2633.141602 3296.106201,2666.454102
	C3293.271240,2677.359131 3289.625244,2688.051270 3286.539307,2698.894287
	C3285.461670,2702.681396 3284.953613,2706.630127 3284.229248,2712.232666
	C3279.853271,2716.007568 3275.433594,2718.054932 3268.900879,2720.191406
	C3265.602783,2720.554688 3264.701416,2721.215576 3264.083984,2722.263428
	C3262.322754,2722.806641 3260.561279,2723.349609 3257.406250,2722.229004
	C3256.807373,2714.750977 3257.208740,2708.849365 3258.477783,2703.140625
	C3261.177979,2690.996094 3266.670898,2679.758789 3268.598145,2667.171631
	C3270.450439,2655.073975 3277.629395,2643.963623 3276.911133,2631.073975
	C3285.629883,2610.938965 3285.918701,2588.880615 3291.209961,2567.953857
	C3292.627441,2562.348877 3293.656982,2556.046143 3287.829590,2550.412598
	C3289.524902,2545.997803 3290.768799,2542.932617 3292.256836,2539.990967
	C3305.799072,2513.222900 3315.614990,2485.412598 3316.684082,2455.034180
	C3316.769043,2452.625244 3318.537109,2450.275879 3319.523193,2447.898682
z"/>
<path fill="#384052" opacity="1.000000" stroke="none"
	d="
M3184.348145,2727.197021
	C3183.042480,2727.362061 3181.736084,2727.521729 3180.431396,2727.692871
	C3164.360840,2729.799561 3164.346436,2729.817383 3164.022949,2751.021484
	C3163.752930,2766.081543 3156.180420,2775.208740 3151.764160,2785.374023
	C3145.230713,2800.413086 3136.498291,2814.505615 3128.480225,2828.877930
	C3127.626465,2830.408936 3125.294189,2831.115234 3122.643066,2831.114258
	C3118.169922,2814.912842 3114.701172,2799.801514 3112.519287,2783.963135
	C3116.491455,2779.578125 3119.813965,2776.225586 3121.741943,2772.204590
	C3127.416260,2760.368164 3132.691406,2748.332520 3137.838379,2736.253418
	C3145.041992,2719.347900 3152.214844,2702.421143 3158.913330,2685.312500
	C3161.034180,2679.895264 3161.855957,2673.904053 3162.674072,2668.091064
	C3162.867920,2666.713379 3160.651611,2664.996582 3160.470215,2662.427490
	C3175.604980,2653.972168 3189.813477,2646.525391 3204.038086,2640.801514
	C3204.421387,2649.919189 3203.256592,2656.961426 3200.711426,2664.015625
	C3195.976562,2677.139893 3192.310547,2690.654053 3187.446045,2703.725586
	C3184.564697,2711.467529 3183.578613,2719.135010 3184.348145,2727.197021
z"/>
<path fill="#6A7588" opacity="1.000000" stroke="none"
	d="
M3287.491455,2551.819580
	C3293.656982,2556.046143 3292.627441,2562.348877 3291.209961,2567.953857
	C3285.918701,2588.880615 3285.629883,2610.938965 3276.911133,2631.073975
	C3277.629395,2643.963623 3270.450439,2655.073975 3268.598145,2667.171631
	C3266.670898,2679.758789 3261.177979,2690.996094 3258.477783,2703.140625
	C3257.208740,2708.849365 3256.807373,2714.750977 3256.016357,2722.222412
	C3245.888916,2730.063965 3234.395752,2727.929443 3221.769531,2727.509033
	C3221.509521,2720.090332 3222.109619,2713.992920 3224.519043,2708.722656
	C3234.709229,2686.437500 3239.517334,2662.525635 3246.306885,2639.215576
	C3250.369141,2625.269287 3253.081543,2611.104004 3252.968262,2595.314941
	C3262.077393,2583.483643 3270.470947,2572.782715 3278.924072,2562.128662
	C3281.700439,2558.629395 3284.631348,2555.252441 3287.491455,2551.819580
z"/>
<path fill="#7D889C" opacity="1.000000" stroke="none"
	d="
M3235.124023,2838.762695
	C3229.273926,2839.498291 3225.380127,2841.656006 3222.341553,2847.145752
	C3212.722168,2864.523682 3203.072266,2881.924316 3192.483398,2898.717041
	C3178.376465,2921.088623 3164.107178,2943.429688 3148.550537,2964.795654
	C3133.398926,2985.604492 3116.553467,3005.180664 3100.413086,3025.267090
	C3096.910889,3029.625244 3092.532471,3032.359131 3085.415283,3030.411865
	C3097.523926,3008.126221 3110.517578,2987.107422 3117.419189,2963.003174
	C3117.745361,2961.864258 3118.985352,2960.987061 3121.204102,2959.856934
	C3125.615967,2957.384277 3129.372559,2955.579834 3131.505127,2952.609619
	C3141.874023,2938.165771 3151.678467,2923.318115 3161.925293,2908.784424
	C3179.792969,2883.441895 3197.263672,2857.893066 3208.371338,2828.640381
	C3211.175781,2821.254639 3216.127197,2816.484131 3224.356201,2815.840332
	C3227.927246,2823.026855 3231.498291,2830.213379 3235.124023,2838.762695
z"/>
<path fill="#555E70" opacity="1.000000" stroke="none"
	d="
M3252.275635,2596.463135
	C3253.081543,2611.104004 3250.369141,2625.269287 3246.306885,2639.215576
	C3239.517334,2662.525635 3234.709229,2686.437500 3224.519043,2708.722656
	C3222.109619,2713.992920 3221.509521,2720.090332 3220.049561,2727.457520
	C3214.594482,2732.828125 3208.675293,2731.327881 3202.905029,2730.545654
	C3197.727783,2729.843750 3192.608643,2728.713379 3185.905762,2727.484375
	C3183.578613,2719.135010 3184.564697,2711.467529 3187.446045,2703.725586
	C3192.310547,2690.654053 3195.976562,2677.139893 3200.711426,2664.015625
	C3203.256592,2656.961426 3204.421387,2649.919189 3204.690186,2639.724365
	C3219.819092,2624.007812 3234.300049,2611.076904 3248.835205,2598.207764
	C3249.766602,2597.383057 3251.118896,2597.033691 3252.275635,2596.463135
z"/>
<path fill="#4C5467" opacity="1.000000" stroke="none"
	d="
M3123.647705,2832.204102
	C3125.294189,2831.115234 3127.626465,2830.408936 3128.480225,2828.877930
	C3136.498291,2814.505615 3145.230713,2800.413086 3151.764160,2785.374023
	C3156.180420,2775.208740 3163.752930,2766.081543 3164.120361,2752.630615
	C3173.340820,2757.802979 3182.489990,2764.593994 3191.568115,2774.157959
	C3182.320068,2795.317383 3173.526123,2813.908936 3163.835693,2832.020996
	C3156.989746,2844.817139 3148.736816,2856.853027 3141.501709,2869.451904
	C3138.397949,2874.857178 3133.955811,2876.433838 3128.145020,2874.624512
	C3126.533691,2859.345215 3125.090820,2845.774658 3123.647705,2832.204102
z"/>
<path fill="#677083" opacity="1.000000" stroke="none"
	d="
M3128.312988,2876.333008
	C3133.955811,2876.433838 3138.397949,2874.857178 3141.501709,2869.451904
	C3148.736816,2856.853027 3156.989746,2844.817139 3163.835693,2832.020996
	C3173.526123,2813.908936 3182.320068,2795.317383 3191.894775,2775.404297
	C3197.704590,2779.594727 3203.116699,2785.311279 3208.080566,2793.831055
	C3205.769287,2799.341797 3203.394043,2801.829346 3202.125244,2804.790771
	C3191.522217,2829.540527 3177.510742,2852.451660 3164.062012,2875.656250
	C3157.483398,2887.006836 3150.372803,2898.051514 3143.404785,2909.172852
	C3139.816650,2914.899902 3135.543945,2919.830566 3127.943604,2918.380859
	C3128.042480,2909.810303 3128.219727,2902.956299 3128.996338,2895.690430
	C3129.812012,2894.847900 3130.323975,2894.240234 3130.190918,2894.018066
	C3129.717773,2893.226562 3129.024902,2892.566406 3128.327881,2890.300781
	C3128.264893,2884.607422 3128.289062,2880.470215 3128.312988,2876.333008
z"/>
<path fill="#707B8E" opacity="1.000000" stroke="none"
	d="
M3128.021973,2920.097656
	C3135.543945,2919.830566 3139.816650,2914.899902 3143.404785,2909.172852
	C3150.372803,2898.051514 3157.483398,2887.006836 3164.062012,2875.656250
	C3177.510742,2852.451660 3191.522217,2829.540527 3202.125244,2804.790771
	C3203.394043,2801.829346 3205.769287,2799.341797 3208.146973,2795.127930
	C3213.781250,2800.120605 3218.900635,2806.619629 3224.187988,2814.479492
	C3216.127197,2816.484131 3211.175781,2821.254639 3208.371338,2828.640381
	C3197.263672,2857.893066 3179.792969,2883.441895 3161.925293,2908.784424
	C3151.678467,2923.318115 3141.874023,2938.165771 3131.505127,2952.609619
	C3129.372559,2955.579834 3125.615967,2957.384277 3121.239746,2958.274414
	C3122.588623,2944.581055 3125.305420,2932.339355 3128.021973,2920.097656
z"/>
<path fill="#6A7588" opacity="1.000000" stroke="none"
	d="
M3264.965820,2722.388916
	C3264.701416,2721.215576 3265.602783,2720.554688 3267.649414,2720.275146
	C3267.959473,2721.416992 3267.071777,2722.165283 3264.965820,2722.388916
z"/>
<path fill="#194BA8" opacity="1.000000" stroke="none"
	d="
M3127.943848,2918.380859
	C3125.305420,2932.339355 3122.588623,2944.581055 3119.835938,2958.405273
	C3118.985352,2960.987061 3117.745361,2961.864258 3117.419189,2963.003174
	C3110.517578,2987.107422 3097.523926,3008.126221 3083.922363,3030.335449
	C3083.667969,3031.699219 3083.801514,3031.774414 3082.687012,3032.290039
	C3078.673096,3036.612061 3075.773926,3040.418701 3072.875000,3044.225586
	C3058.742432,3059.958740 3043.954102,3074.976807 3023.909180,3088.069336
	C3006.741699,3098.987061 2990.713379,3106.105957 2974.100586,3111.920654
	C2965.540039,3114.917480 2956.781738,3117.348877 2946.391113,3119.972168
	C2929.834473,3121.437988 2914.998779,3122.967041 2898.342773,3124.314453
	C2884.404297,3124.043701 2872.286377,3123.954834 2858.965332,3122.802002
	C2846.749756,3120.846924 2835.737305,3119.955811 2823.640137,3118.116699
	C2809.707275,3112.978516 2796.858887,3108.787842 2782.627686,3104.184570
	C2771.601562,3099.804932 2761.958252,3095.838623 2751.393555,3090.856445
	C2741.838867,3084.877930 2733.348389,3079.642578 2724.533203,3075.027100
	C2715.432861,3070.261963 2708.298828,3061.486816 2695.655029,3060.255371
	C2690.443359,3080.565918 2685.384521,3100.281006 2679.630859,3121.267578
	C2675.006348,3133.641113 2671.076660,3144.742920 2666.174072,3156.763184
	C2658.032227,3170.476318 2650.863525,3183.270996 2642.618896,3196.802246
	C2634.135742,3209.760986 2625.699707,3221.152100 2615.357910,3231.116943
	C2612.628418,3233.746826 2610.705566,3237.213623 2607.641113,3241.391602
	C2601.502930,3247.243896 2596.052246,3251.911133 2590.791016,3256.782959
	C2585.536865,3261.648926 2580.471680,3266.719238 2573.996338,3271.970703
	C2561.789551,3278.889893 2550.909668,3285.538330 2538.564941,3292.373291
	C2509.112793,3305.664062 2479.284912,3311.675537 2448.852783,3315.134766
	C2434.219482,3316.798096 2419.793701,3314.100098 2405.271729,3312.469727
	C2388.611816,3310.598633 2372.646973,3306.643066 2357.185059,3300.457031
	C2347.379150,3296.533936 2337.754639,3292.157471 2327.257812,3286.894043
	C2319.052734,3280.805176 2311.713135,3275.690430 2304.201172,3270.843750
	C2297.787598,3266.705322 2291.175781,3262.873779 2284.315430,3257.653809
	C2276.550293,3246.407227 2269.143799,3236.388428 2256.562988,3230.236328
	C2249.173828,3219.002686 2242.297852,3209.016113 2235.079590,3199.284180
	C2233.676270,3197.392090 2230.938721,3196.489746 2228.643555,3193.708984
	C2221.829346,3180.038330 2215.187988,3167.789795 2208.263184,3154.124023
	C2204.078125,3143.119629 2200.176758,3133.532959 2196.165527,3122.371582
	C2191.930664,3103.503662 2187.815186,3086.208252 2183.674072,3068.918945
	C2182.729004,3064.973633 2181.371826,3061.331299 2175.377197,3060.550049
	C2158.745361,3070.689209 2141.331299,3081.305176 2122.483398,3092.070557
	C2109.874756,3097.290527 2098.699707,3102.361084 2086.007568,3107.580078
	C2073.398193,3111.458008 2061.034424,3111.437500 2049.610352,3119.196533
	C2037.224609,3120.613037 2025.946411,3118.184326 2014.042969,3123.968262
	C2000.076538,3124.217773 1987.920532,3124.504883 1974.001831,3124.612305
	C1954.999878,3122.611572 1937.760620,3120.790283 1919.437744,3118.072021
	C1914.100220,3115.507324 1909.914551,3113.631104 1905.579956,3112.208496
	C1888.721313,3106.676270 1872.728149,3099.427002 1858.009521,3089.402344
	C1849.410645,3083.545410 1840.550049,3078.072754 1831.063721,3071.329590
	C1820.376343,3060.492432 1810.343262,3050.841797 1800.530884,3040.971924
	C1796.349731,3036.766357 1792.630249,3032.101807 1788.358887,3026.278320
	C1782.061523,3014.072754 1775.500732,3003.515137 1770.317017,2992.320068
	C1764.861328,2980.537598 1760.722168,2968.145264 1756.037842,2954.338135
	C1753.373047,2935.133789 1750.678101,2917.610840 1748.078613,2898.305176
	C1747.984741,2882.978760 1747.997314,2869.449463 1751.324463,2854.450195
	C1753.011108,2841.862549 1754.413330,2830.959473 1756.069092,2818.575684
	C1760.143921,2804.752686 1763.965210,2792.410645 1768.442627,2778.805664
	C1773.974976,2766.360596 1778.851074,2755.178223 1784.155762,2742.687744
	C1789.617920,2733.659912 1794.934692,2726.107178 1799.604736,2718.173584
	C1804.170410,2710.417236 1811.970947,2704.183838 1812.014526,2691.619385
	C1793.753052,2687.336182 1775.497681,2682.271240 1755.622070,2678.331055
	C1741.834351,2672.766357 1729.110474,2668.158203 1715.479858,2662.530273
	C1703.053467,2655.544434 1691.533936,2649.577637 1679.356201,2642.484863
	C1671.564819,2636.106934 1665.280518,2629.406982 1654.832520,2627.222168
	C1644.329712,2613.208984 1632.879395,2601.970215 1619.231567,2591.130859
	C1610.846191,2579.516357 1603.097412,2569.070312 1595.189697,2558.745850
	C1593.244995,2556.206543 1590.781128,2554.064697 1588.229370,2550.328613
	C1573.283081,2522.313721 1565.107544,2493.560547 1559.648438,2462.075928
	C1559.630981,2441.506104 1559.517212,2422.793701 1559.764648,2402.518555
	C1564.748047,2380.759521 1568.549927,2360.327637 1578.439209,2341.727783
	C1579.910889,2338.959717 1580.057495,2335.486816 1581.886841,2331.577637
	C1588.747681,2320.770264 1594.538940,2310.725342 1601.472412,2299.967041
	C1609.787231,2290.300049 1616.959595,2281.346680 1625.320801,2271.768066
	C1637.690186,2260.838135 1648.870728,2250.532959 1661.301270,2239.662109
	C1673.765869,2231.474365 1684.980469,2223.852539 1697.604980,2216.019775
	C1710.012573,2210.443848 1721.010620,2205.079102 1733.491211,2199.565918
	C1747.501343,2195.400879 1760.131226,2191.673340 1772.528809,2187.289062
	C1785.336060,2182.759766 1799.686646,2183.557373 1812.606323,2176.466309
	C1811.713379,2173.159180 1811.537598,2170.470703 1810.335205,2168.369873
	C1797.907227,2146.656738 1785.313721,2125.038330 1772.633057,2101.877441
	C1767.832886,2086.444092 1765.092407,2071.797607 1756.733154,2057.603516
	C1756.062134,2043.407227 1754.328003,2031.084351 1748.568604,2017.832031
	C1748.239136,2003.986084 1747.964355,1991.933472 1747.807373,1978.130127
	C1748.314575,1969.264160 1748.473511,1962.126831 1749.151611,1955.039307
	C1750.011597,1946.051392 1751.293457,1937.104126 1753.333374,1927.026611
	C1757.096558,1916.598145 1759.212280,1906.991089 1762.899292,1898.030640
	C1769.321411,1882.422974 1776.712280,1867.213989 1783.696777,1851.837769
	C1794.785522,1834.296387 1809.249756,1819.670288 1824.137817,1805.463623
	C1829.890259,1799.974365 1836.287720,1795.161011 1843.162476,1788.966553
	C1847.444458,1786.107300 1851.231567,1784.713501 1854.419312,1782.468872
	C1870.224854,1771.339722 1887.977905,1764.438599 1907.041260,1757.164551
	C1920.303833,1753.512329 1932.562988,1750.843262 1946.378174,1747.959473
	C1960.062866,1747.545044 1972.191772,1747.345459 1986.098755,1746.727539
	C2003.941895,1746.965332 2020.006958,1747.621338 2037.894165,1748.361328
	C2052.641113,1754.797974 2067.045898,1756.035034 2083.138184,1761.320557
	C2097.024170,1767.080200 2108.356445,1771.785522 2120.558105,1777.542480
	C2132.465332,1784.537476 2143.583008,1790.339111 2154.509033,1796.481689
	C2160.255127,1799.712402 2165.522949,1803.793335 2171.268066,1807.026489
	C2177.113525,1810.316040 2181.860107,1808.201660 2183.322754,1801.975342
	C2188.144775,1781.446289 2192.870361,1760.894653 2198.485596,1739.330322
	C2203.615723,1728.242920 2207.893066,1718.176758 2212.170654,1708.110596
	C2218.478027,1696.922607 2224.785400,1685.734741 2231.704834,1673.286133
	C2241.074219,1665.348877 2245.508789,1655.457031 2251.874023,1645.324951
	C2262.673340,1634.226440 2272.864990,1624.352051 2283.703125,1613.308105
	C2297.055908,1603.640747 2309.761963,1595.143066 2323.276367,1585.628418
	C2334.492432,1580.267700 2344.864258,1575.833984 2355.316895,1571.599976
	C2373.880615,1564.080566 2393.322021,1559.798950 2414.545166,1555.924072
	C2429.502930,1555.648193 2442.867432,1555.698486 2459.645996,1555.983276
	C2467.575684,1557.258301 2472.041992,1558.670044 2476.614990,1559.276123
	C2498.537354,1562.181396 2519.150391,1568.971680 2538.797852,1579.072510
	C2544.044189,1581.769775 2549.907471,1583.266602 2556.253906,1586.348877
	C2571.276855,1598.279785 2585.532959,1609.176392 2600.429688,1621.243652
	C2610.137695,1632.232422 2619.205078,1642.050415 2628.746338,1653.074707
	C2634.014160,1660.204956 2638.808594,1666.128662 2643.849365,1673.421387
	C2649.330566,1683.201904 2654.565186,1691.613281 2659.968262,1701.444092
	C2665.099121,1712.601685 2670.061523,1722.339844 2675.235352,1733.644531
	C2680.133301,1752.345459 2684.899170,1769.458740 2689.457031,1786.627319
	C2690.804199,1791.701416 2691.435303,1796.961548 2692.626465,1802.082397
	C2694.024658,1808.094482 2699.052246,1810.262329 2704.750244,1807.311157
	C2707.073486,1806.107788 2709.080566,1804.308594 2711.354492,1802.993164
	C2724.471191,1795.406860 2737.641846,1787.914185 2750.755371,1780.322754
	C2755.273438,1777.707153 2759.680908,1774.900024 2765.556152,1772.029053
	C2775.410889,1768.079102 2783.848389,1764.280518 2793.811035,1760.396240
	C2804.913818,1757.526611 2814.491211,1754.742432 2825.690430,1751.976929
	C2836.917480,1750.455688 2846.522949,1748.915771 2857.959229,1747.502075
	C2874.589355,1747.331421 2889.388672,1747.034424 2905.935059,1747.015381
	C2926.976074,1746.894165 2945.425049,1752.153442 2964.126221,1755.723999
	C2970.940186,1758.335083 2977.739014,1760.987061 2984.571045,1763.550049
	C3009.157715,1772.773315 3030.887939,1786.647827 3050.344971,1804.143555
	C3070.770996,1822.510620 3088.633789,1843.059814 3101.003662,1867.753174
	C3107.230713,1880.183350 3112.082520,1893.302368 3118.487793,1907.130737
	C3122.145020,1921.698730 3124.870361,1935.245850 3127.715820,1950.364258
	C3127.853760,1965.379639 3127.872070,1978.823486 3127.955566,1994.089111
	C3123.545410,2008.905640 3124.006836,2022.433716 3123.731201,2037.577881
	C3117.329834,2054.931641 3113.247803,2071.357178 3107.974121,2087.391846
	C3106.547363,2091.730225 3105.215820,2096.100098 3102.643066,2102.940186
	C3091.453613,2124.768311 3082.039795,2144.415039 3069.286865,2162.231689
	C3066.436279,2166.213867 3062.331299,2170.555420 3065.047363,2176.986084
	C3066.465820,2177.758057 3068.039307,2179.138184 3069.821533,2179.505615
	C3093.729248,2184.433350 3117.308105,2190.458740 3140.049072,2199.501221
	C3142.447021,2200.454590 3145.234619,2200.428223 3147.841309,2200.856445
	C3160.245361,2207.230713 3172.649170,2213.605225 3186.463379,2220.287354
	C3194.699219,2229.155762 3204.752930,2233.207031 3214.823242,2239.505615
	C3228.605713,2251.640869 3241.131836,2263.260498 3254.862793,2275.464844
	C3265.977051,2290.212646 3275.886230,2304.376221 3286.889160,2319.323486
	C3288.768799,2322.604980 3289.198486,2325.289551 3290.394775,2327.571777
	C3305.864502,2357.082275 3315.918457,2388.139893 3318.625977,2422.857178
	C3319.563965,2430.895508 3319.525879,2437.698242 3319.505615,2446.199707
	C3318.537109,2450.275879 3316.769043,2452.625244 3316.684082,2455.034180
	C3315.614990,2485.412598 3305.799072,2513.222900 3292.256836,2539.990967
	C3290.768799,2542.932617 3289.524902,2545.997803 3287.829590,2550.412598
	C3284.631348,2555.252441 3281.700439,2558.629395 3278.924072,2562.128662
	C3270.470947,2572.782715 3262.077393,2583.483643 3252.968262,2595.314941
	C3251.118896,2597.033691 3249.766602,2597.383057 3248.835205,2598.207764
	C3234.300049,2611.076904 3219.819092,2624.007812 3204.673828,2638.001465
	C3189.813477,2646.525391 3175.604980,2653.972168 3159.002930,2662.603516
	C3145.725586,2668.022705 3134.841797,2672.257324 3122.445801,2676.585205
	C3102.555908,2683.869385 3082.467529,2685.462891 3062.840088,2692.978516
	C3071.235352,2712.042480 3083.152100,2727.272461 3092.786865,2745.329590
	C3099.183105,2759.346924 3105.208008,2772.018555 3111.232666,2784.690186
	C3114.701172,2799.801514 3118.169922,2814.912842 3122.643066,2831.114014
	C3125.090820,2845.774658 3126.533691,2859.345215 3128.144775,2874.624512
	C3128.289062,2880.470215 3128.264893,2884.607422 3128.224609,2891.362305
	C3128.270996,2894.687500 3128.333984,2895.395020 3128.396973,2896.102539
	C3128.219727,2902.956299 3128.042480,2909.810303 3127.943848,2918.380859
M2161.761475,3051.845703
	C2167.725098,3047.587158 2173.535645,3043.084961 2179.726562,3039.187500
	C2182.273438,3037.583740 2185.639404,3037.281982 2188.346436,3036.473389
	C2193.696045,3042.729736 2194.690186,3049.345215 2195.641846,3055.877686
	C2199.309326,3081.048584 2206.244873,3105.351074 2215.504395,3128.958252
	C2236.152344,3181.599854 2267.407715,3226.499512 2313.777100,3259.730957
	C2356.598145,3290.419434 2404.804199,3304.054932 2457.097168,3298.950439
	C2507.793457,3294.001709 2551.355957,3271.736084 2588.756348,3237.405273
	C2630.725830,3198.880127 2657.482910,3151.275635 2671.761475,3096.470703
	C2675.277100,3082.976562 2677.396484,3069.123291 2680.367920,3055.480957
	C2681.866455,3048.601318 2681.980713,3040.936035 2689.769043,3035.684814
	C2694.934326,3038.775635 2700.076660,3041.656738 2705.017334,3044.850342
	C2715.088379,3051.360107 2724.807861,3058.445312 2735.096924,3064.581055
	C2798.683350,3102.500732 2866.988037,3118.850098 2940.186279,3103.713379
	C3025.454590,3086.081055 3081.213379,3034.542969 3104.135742,2950.053711
	C3120.225586,2890.748291 3113.169678,2832.570068 3090.279541,2776.014160
	C3079.209473,2748.662109 3063.981445,2723.695557 3046.483887,2700.043457
	C3044.900635,2697.903320 3043.081055,2695.911621 3041.709961,2693.645996
	C3037.950195,2687.432617 3040.043213,2681.499268 3046.848877,2679.541992
	C3051.315674,2678.257080 3055.922119,2677.267334 3060.534180,2676.710449
	C3083.146240,2673.981934 3104.904541,2667.908447 3126.202881,2660.091064
	C3181.394043,2639.834229 3228.130127,2607.599121 3262.310791,2559.416748
	C3299.203613,2507.411865 3312.696533,2449.974121 3296.713867,2387.063477
	C3281.784180,2328.297119 3247.569824,2282.854980 3199.237549,2247.507568
	C3156.884766,2216.533203 3108.546143,2200.469238 3057.286621,2192.074707
	C3053.367676,2191.432861 3049.381104,2190.870850 3045.623047,2189.659668
	C3040.705811,2188.074951 3038.646484,2182.822510 3041.307861,2178.339355
	C3044.700928,2172.624512 3048.591797,2167.198242 3052.390137,2161.732178
	C3077.747314,2125.238037 3096.471436,2085.881104 3105.717041,2042.117676
	C3114.537842,2000.366577 3115.242676,1958.896729 3103.747070,1917.585083
	C3090.825684,1871.149048 3065.812256,1832.947144 3026.998535,1803.773560
	C2988.184570,1774.599731 2943.707764,1762.582397 2896.302246,1760.712036
	C2850.276123,1758.896118 2806.434082,1769.327026 2764.863037,1789.246338
	C2743.765381,1799.355713 2723.846680,1811.385376 2704.752930,1824.878052
	C2699.486328,1828.599487 2694.427246,1833.704712 2686.778809,1831.535889
	C2681.584717,1826.498047 2681.038330,1819.895630 2680.044434,1813.288208
	C2674.451172,1776.107056 2663.671387,1740.512573 2645.610107,1707.446167
	C2621.258789,1662.862793 2589.729248,1624.883789 2545.027344,1598.918579
	C2497.833496,1571.506104 2447.406006,1564.232544 2394.668701,1575.492065
	C2333.804932,1588.486572 2287.337891,1623.760986 2251.089355,1673.406494
	C2220.964844,1714.664307 2204.717529,1761.512329 2196.047363,1811.325684
	C2194.794922,1818.521606 2194.598633,1825.901367 2189.091064,1831.579834
	C2182.251221,1833.845459 2177.733398,1829.641479 2172.693604,1826.400024
	C2157.019531,1816.319214 2141.655029,1805.621704 2125.311768,1796.744873
	C2091.020752,1778.119873 2054.117188,1767.766724 2015.375244,1762.483521
	C1967.570435,1755.964478 1921.962280,1762.601440 1879.691040,1784.910156
	C1808.507324,1822.477539 1771.610840,1883.765625 1764.597534,1962.962891
	C1760.664185,2007.380127 1768.495483,2050.479004 1785.288330,2091.971191
	C1796.627563,2119.988037 1811.945923,2145.681641 1829.552246,2170.003906
	C1838.295654,2182.082520 1838.815308,2189.462158 1820.634033,2192.161865
	C1758.698730,2201.359619 1702.697754,2224.652832 1654.892456,2265.747803
	C1595.942627,2316.423096 1567.012451,2379.626953 1575.265015,2458.308105
	C1578.672852,2490.798096 1589.393311,2520.672607 1606.765869,2547.967285
	C1637.338623,2596.001465 1679.284912,2630.836914 1731.828247,2652.968506
	C1758.978027,2664.404541 1787.011230,2672.408691 1816.145020,2676.803223
	C1823.128540,2677.856445 1830.615601,2678.596191 1836.090820,2684.362061
	C1835.547729,2693.537109 1829.700073,2699.320068 1825.245850,2705.759277
	C1795.277954,2749.079590 1774.089966,2795.826416 1766.657959,2848.561035
	C1760.382690,2893.087158 1763.081665,2936.489258 1781.119385,2977.850342
	C1813.948730,3053.129395 1872.392456,3096.268799 1953.094116,3107.269531
	C1994.955322,3112.975586 2036.770386,3108.165771 2077.288574,3094.297363
	C2106.536865,3084.286621 2133.531494,3070.137451 2161.761475,3051.845703
z"/>
<path fill="#1B2435" opacity="1.000000" stroke="none"
	d="
M2856.901367,3237.935547
	C2858.678711,3237.299561 2861.326904,3237.586182 2865.309814,3238.067871
	C2866.644531,3238.263184 2867.365234,3239.090332 2867.527100,3239.614258
	C2864.383301,3239.711426 2861.077881,3239.284912 2856.901367,3237.935547
z"/>
<path fill="#070E22" opacity="1.000000" stroke="none"
	d="
M2883.056641,3243.186035
	C2880.746826,3243.563965 2877.414307,3243.214111 2873.166992,3241.988770
	C2875.512695,3241.562012 2878.773438,3242.010010 2883.056641,3243.186035
z"/>
<path fill="#6A7588" opacity="1.000000" stroke="none"
	d="
M2963.936523,1754.362671
	C2945.425049,1752.153442 2926.976074,1746.894165 2905.675293,1745.759155
	C2901.499023,1738.204468 2896.766113,1734.763794 2891.489502,1731.674194
	C2869.198975,1718.622681 2847.063965,1705.304321 2824.693115,1692.393311
	C2816.649902,1687.751343 2808.142334,1683.901001 2799.772949,1679.841797
	C2794.392822,1677.232422 2792.074463,1672.808105 2791.500732,1667.156616
	C2798.538818,1661.945923 2805.576660,1656.735352 2813.906738,1651.162598
	C2818.400879,1653.984741 2821.119873,1657.986328 2824.887695,1660.215088
	C2843.642090,1671.309326 2862.677246,1681.928833 2881.604736,1692.731323
	C2905.700195,1706.483276 2928.396484,1722.412720 2951.174072,1738.165039
	C2956.322510,1741.725586 2959.604980,1747.984619 2963.936523,1754.362671
z"/>
<path fill="#242D40" opacity="1.000000" stroke="none"
	d="
M2852.962646,1634.720459
	C2853.787842,1633.543457 2855.707275,1632.576904 2858.742920,1631.750244
	C2857.925049,1632.903687 2855.990967,1633.917236 2852.962646,1634.720459
z"/>
<path fill="#03091E" opacity="1.000000" stroke="none"
	d="
M2869.356934,1629.825806
	C2869.429688,1628.727173 2870.329346,1628.352783 2872.083740,1628.269531
	C2872.828369,1628.296631 2872.182617,1629.679321 2871.881836,1630.380737
	C2871.581299,1631.082153 2870.074219,1630.286133 2869.356934,1629.825806
z"/>
<path fill="#1B2435" opacity="1.000000" stroke="none"
	d="
M3147.890381,2199.169678
	C3145.234619,2200.428223 3142.447021,2200.454590 3140.049072,2199.501221
	C3117.308105,2190.458740 3093.729248,2184.433350 3069.821533,2179.505615
	C3068.039307,2179.138184 3066.465820,2177.758057 3065.047363,2176.986084
	C3062.331299,2170.555420 3066.436279,2166.213867 3069.286865,2162.231689
	C3082.039795,2144.415039 3091.453613,2124.768311 3102.412109,2104.448730
	C3109.853760,2104.116211 3114.120605,2107.492432 3116.706787,2113.502930
	C3122.899658,2127.896484 3129.487061,2142.122070 3135.568359,2156.561523
	C3139.364258,2165.574707 3142.809082,2174.762451 3145.852051,2184.054932
	C3147.243408,2188.303223 3147.285400,2192.993164 3147.890381,2199.169678
z"/>
<path fill="#7D889C" opacity="1.000000" stroke="none"
	d="
M2555.487549,1585.314453
	C2549.907471,1583.266602 2544.044189,1581.769775 2538.797852,1579.072510
	C2519.150391,1568.971680 2498.537354,1562.181396 2476.614990,1559.276123
	C2472.041992,1558.670044 2467.575684,1557.258301 2461.465332,1555.874512
	C2460.628906,1552.134766 2462.055664,1548.545288 2465.819824,1548.559448
	C2475.713867,1548.596680 2485.616211,1549.196289 2495.493408,1549.885986
	C2500.080078,1550.206299 2504.652832,1552.054199 2509.168213,1551.843140
	C2535.221191,1550.625854 2560.528809,1556.138184 2585.872070,1560.506958
	C2615.792236,1565.664673 2645.698486,1571.213745 2674.884277,1579.884399
	C2685.672852,1583.089600 2696.398682,1586.512817 2707.233398,1589.550415
	C2709.531738,1590.194580 2712.179932,1589.591553 2715.545898,1588.488525
	C2723.474854,1596.018921 2725.553711,1606.584961 2726.482910,1618.453613
	C2714.657471,1617.305298 2704.159912,1615.445435 2694.258301,1611.914062
	C2651.756104,1596.756226 2607.116943,1590.731567 2563.420898,1580.699097
	C2559.781494,1579.863525 2557.185059,1582.137329 2555.487549,1585.314453
z"/>
<path fill="#6A7588" opacity="1.000000" stroke="none"
	d="
M2556.253906,1586.348877
	C2557.185059,1582.137329 2559.781494,1579.863525 2563.420898,1580.699097
	C2607.116943,1590.731567 2651.756104,1596.756226 2694.258301,1611.914062
	C2704.159912,1615.445435 2714.657471,1617.305298 2726.478027,1619.962524
	C2734.211914,1628.780640 2731.564209,1638.982178 2731.020996,1650.138672
	C2721.159424,1649.019043 2712.762207,1646.799316 2704.766602,1643.582031
	C2675.120361,1631.653320 2643.917480,1625.554688 2613.032715,1618.155151
	C2607.821533,1616.906738 2604.021729,1618.230835 2599.789062,1620.072998
	C2585.532959,1609.176392 2571.276855,1598.279785 2556.253906,1586.348877
z"/>
<path fill="#394254" opacity="1.000000" stroke="none"
	d="
M2659.799805,1700.024658
	C2654.565186,1691.613281 2649.330566,1683.201904 2645.456787,1673.431152
	C2650.025391,1672.777222 2653.316895,1673.224121 2656.427246,1674.230225
	C2675.303711,1680.336914 2694.081787,1686.755737 2713.023926,1692.648071
	C2718.581787,1694.377197 2724.566650,1694.733154 2730.355957,1695.718262
	C2735.480469,1710.976929 2738.599609,1712.814697 2755.371094,1708.935059
	C2769.578369,1715.193726 2781.198975,1721.450806 2792.820312,1727.706055
	C2801.506104,1732.381104 2810.489746,1736.600342 2818.714600,1741.979736
	C2821.488281,1743.793701 2822.338867,1748.547974 2824.068359,1751.958374
	C2814.491211,1754.742432 2804.913818,1757.526611 2793.583984,1758.931519
	C2790.671387,1750.543945 2784.888184,1748.202393 2779.490967,1745.803711
	C2754.199219,1734.562988 2729.152588,1722.658936 2703.355957,1712.709351
	C2689.351562,1707.307983 2675.342041,1700.672974 2659.799805,1700.024658
z"/>
<path fill="#586174" opacity="1.000000" stroke="none"
	d="
M2790.299316,1667.689209
	C2792.074463,1672.808105 2794.392822,1677.232422 2799.772949,1679.841797
	C2808.142334,1683.901001 2816.649902,1687.751343 2824.693115,1692.393311
	C2847.063965,1705.304321 2869.198975,1718.622681 2891.489502,1731.674194
	C2896.766113,1734.763794 2901.499023,1738.204468 2903.928223,1745.481445
	C2889.388672,1747.034424 2874.589355,1747.331421 2857.895508,1746.060791
	C2856.097412,1737.567871 2851.991699,1733.973145 2846.206055,1731.124878
	C2826.190918,1721.271606 2806.303223,1711.160156 2786.382568,1701.115845
	C2782.856934,1699.338257 2778.950439,1697.927979 2776.069580,1695.385376
	C2773.836426,1693.414795 2772.928467,1689.942139 2771.431396,1687.137207
	C2775.602783,1679.228027 2781.731201,1673.146484 2790.299316,1667.689209
z"/>
<path fill="#555E70" opacity="1.000000" stroke="none"
	d="
M2600.429688,1621.243774
	C2604.021729,1618.230835 2607.821533,1616.906738 2613.032715,1618.155151
	C2643.917480,1625.554688 2675.120361,1631.653320 2704.766602,1643.582031
	C2712.762207,1646.799316 2721.159424,1649.019043 2730.909668,1651.840088
	C2737.772461,1659.036621 2733.726562,1666.114502 2730.599609,1674.586060
	C2722.339844,1674.623901 2715.843750,1673.713257 2709.655518,1671.804932
	C2695.933105,1667.573486 2682.428467,1662.638672 2668.716309,1658.371948
	C2655.578857,1654.284180 2642.271484,1650.805420 2628.272705,1651.868286
	C2619.205078,1642.050415 2610.137695,1632.232422 2600.429688,1621.243774
z"/>
<path fill="#475062" opacity="1.000000" stroke="none"
	d="
M2770.309326,1687.838135
	C2772.928467,1689.942139 2773.836426,1693.414795 2776.069580,1695.385376
	C2778.950439,1697.927979 2782.856934,1699.338257 2786.382568,1701.115845
	C2806.303223,1711.160156 2826.190918,1721.271606 2846.206055,1731.124878
	C2851.991699,1733.973145 2856.097412,1737.567871 2856.064453,1745.934570
	C2846.522949,1748.915771 2836.917480,1750.455688 2825.690430,1751.976929
	C2822.338867,1748.547974 2821.488281,1743.793701 2818.714600,1741.979736
	C2810.489746,1736.600342 2801.506104,1732.381104 2792.820312,1727.706055
	C2781.198975,1721.450806 2769.578369,1715.193726 2756.645020,1708.335449
	C2759.950684,1701.335449 2764.569092,1694.937256 2770.309326,1687.838135
z"/>
<path fill="#475062" opacity="1.000000" stroke="none"
	d="
M2628.746338,1653.074707
	C2642.271484,1650.805420 2655.578857,1654.284180 2668.716309,1658.371948
	C2682.428467,1662.638672 2695.933105,1667.573486 2709.655518,1671.804932
	C2715.843750,1673.713257 2722.339844,1674.623901 2730.296875,1675.981934
	C2731.661865,1681.486206 2731.426025,1686.995605 2730.773193,1694.111816
	C2724.566650,1694.733154 2718.581787,1694.377197 2713.023926,1692.648071
	C2694.081787,1686.755737 2675.303711,1680.336914 2656.427246,1674.230225
	C2653.316895,1673.224121 2650.025391,1672.777222 2645.210205,1672.062134
	C2638.808594,1666.128662 2634.014160,1660.204956 2628.746338,1653.074707
z"/>
<path fill="#808B9E" opacity="1.000000" stroke="none"
	d="
M2328.048828,3287.984375
	C2337.754639,3292.157471 2347.379150,3296.533936 2357.185059,3300.457031
	C2372.646973,3306.643066 2388.611816,3310.598633 2405.271729,3312.469727
	C2419.793701,3314.100098 2434.219482,3316.798096 2448.852783,3315.134766
	C2479.284912,3311.675537 2509.112793,3305.664062 2539.691895,3293.483887
	C2559.593750,3299.770020 2575.898193,3289.859863 2592.935059,3291.072266
	C2633.036133,3280.841797 2673.883789,3273.441406 2712.957275,3259.296631
	C2717.233887,3257.748779 2721.852539,3257.145752 2726.312256,3256.104492
	C2723.472900,3264.701172 2720.633545,3273.297607 2715.076660,3282.941895
	C2701.407471,3282.784912 2691.239258,3286.809082 2681.210205,3289.783447
	C2640.464600,3301.866943 2598.624268,3308.428955 2556.926025,3315.778076
	C2548.458740,3317.270508 2539.986816,3319.250488 2531.447021,3319.715088
	C2510.930420,3320.831299 2490.188477,3318.437988 2469.973877,3323.978760
	C2442.823975,3322.487793 2415.376953,3327.522949 2388.475830,3320.254150
	C2386.599365,3319.747070 2384.494873,3320.061279 2382.495850,3320.035645
	C2365.253662,3319.813477 2348.203857,3319.173828 2330.939453,3316.652100
	C2304.739014,3312.824951 2278.422607,3309.744385 2252.739014,3303.309570
	C2232.896973,3298.337891 2212.179688,3296.838867 2193.204346,3288.254395
	C2188.449707,3286.103271 2183.037842,3285.135254 2177.818604,3284.357910
	C2172.557861,3283.574219 2167.027344,3283.277100 2163.489014,3288.743408
	C2155.385742,3278.921387 2152.901123,3266.692627 2150.533691,3253.627441
	C2155.198486,3253.019287 2158.408447,3253.744873 2161.564209,3254.657227
	C2181.888428,3260.531982 2202.320801,3266.067871 2222.488525,3272.439453
	C2252.199463,3281.826172 2283.149902,3285.073975 2313.448242,3291.522217
	C2318.516357,3292.600586 2324.159668,3293.149658 2328.048828,3287.984375
z"/>
<path fill="#909BAF" opacity="1.000000" stroke="none"
	d="
M2163.708984,3290.055176
	C2167.027344,3283.277100 2172.557861,3283.574219 2177.818604,3284.357910
	C2183.037842,3285.135254 2188.449707,3286.103271 2193.204346,3288.254395
	C2212.179688,3296.838867 2232.896973,3298.337891 2252.739014,3303.309570
	C2278.422607,3309.744385 2304.739014,3312.824951 2330.939453,3316.652100
	C2348.203857,3319.173828 2365.253662,3319.813477 2382.495850,3320.035645
	C2384.494873,3320.061279 2386.599365,3319.747070 2388.475830,3320.254150
	C2415.376953,3327.522949 2442.823975,3322.487793 2469.973877,3323.978760
	C2490.188477,3318.437988 2510.930420,3320.831299 2531.447021,3319.715088
	C2539.986816,3319.250488 2548.458740,3317.270508 2556.926025,3315.778076
	C2598.624268,3308.428955 2640.464600,3301.866943 2681.210205,3289.783447
	C2691.239258,3286.809082 2701.407471,3282.784912 2714.024414,3283.957031
	C2712.574951,3290.202637 2709.459961,3296.480713 2705.182129,3303.381348
	C2696.040527,3303.937256 2688.405762,3305.082520 2680.508057,3307.023682
	C2654.874023,3313.323486 2629.710693,3321.520752 2603.201172,3324.473633
	C2581.595703,3326.880371 2560.275391,3331.807861 2538.796631,3335.428223
	C2534.894043,3336.085938 2530.838623,3335.910889 2526.851318,3335.978271
	C2516.250488,3336.156982 2505.704346,3335.523438 2495.285400,3339.149902
	C2490.483887,3340.821045 2484.743896,3339.947754 2479.428711,3339.964844
	C2458.125000,3340.032471 2436.820312,3340.133789 2415.518311,3339.950928
	C2401.627930,3339.831787 2387.577637,3341.498047 2374.028809,3336.503906
	C2371.649170,3335.626953 2368.753174,3336.016846 2366.097900,3336.040283
	C2343.493896,3336.239258 2321.460693,3331.405029 2299.162598,3328.867432
	C2262.786133,3324.727295 2227.937012,3314.198242 2192.512695,3306.062988
	C2187.229004,3304.849609 2182.331299,3302.858643 2176.385742,3307.677246
	C2171.593994,3303.062500 2167.761475,3297.214600 2163.708984,3290.055176
z"/>
<path fill="#7D889C" opacity="1.000000" stroke="none"
	d="
M2948.112549,3120.035645
	C2956.781738,3117.348877 2965.540039,3114.917480 2974.100586,3111.920654
	C2990.713379,3106.105957 3006.741699,3098.987061 3022.826660,3088.877930
	C3024.264160,3094.784180 3022.479248,3099.560303 3016.909668,3103.727783
	C2995.260742,3119.924561 2974.330566,3137.083252 2952.651855,3153.238281
	C2930.923584,3169.431152 2908.686279,3184.934570 2884.677002,3197.714355
	C2873.586670,3203.617432 2862.822021,3210.129639 2851.780029,3216.126465
	C2846.561035,3218.960693 2843.863525,3222.954590 2844.061279,3230.367188
	C2833.727539,3227.606934 2823.397217,3223.365234 2812.827148,3216.783203
	C2815.865479,3211.244385 2818.671631,3207.238770 2822.507812,3204.992188
	C2836.138916,3197.009766 2850.108643,3189.603271 2863.974121,3182.022217
	C2890.554932,3167.489014 2915.983154,3151.150146 2940.369141,3133.191162
	C2944.751709,3129.963623 2947.988281,3125.865479 2948.112549,3120.035645
z"/>
<path fill="#384052" opacity="1.000000" stroke="none"
	d="
M2643.694824,3196.065674
	C2650.863525,3183.270996 2658.032227,3170.476318 2667.872070,3156.822998
	C2675.061523,3155.297852 2679.804932,3155.296875 2684.060547,3153.854736
	C2707.040283,3146.067871 2729.899902,3137.906250 2752.044922,3127.937988
	C2760.453857,3124.152832 2768.589600,3119.757568 2776.822754,3115.587402
	C2781.298340,3113.320801 2783.772461,3109.671875 2784.010498,3104.597412
	C2796.858887,3108.787842 2809.707275,3112.978516 2822.924316,3119.432617
	C2811.385010,3131.053711 2798.761963,3139.037354 2784.484863,3144.536865
	C2773.522461,3148.759766 2761.744629,3152.379150 2755.842529,3164.217529
	C2754.663574,3163.614258 2753.536621,3162.860596 2752.297363,3162.430664
	C2738.758545,3157.731445 2735.853516,3159.239014 2729.107910,3174.787354
	C2715.564453,3175.168457 2705.483643,3180.153564 2695.114990,3184.342285
	C2678.633545,3190.999756 2661.846436,3196.604004 2643.694824,3196.065674
z"/>
<path fill="#677083" opacity="1.000000" stroke="none"
	d="
M2946.391113,3119.972168
	C2947.988281,3125.865479 2944.751709,3129.963623 2940.369141,3133.191162
	C2915.983154,3151.150146 2890.554932,3167.489014 2863.974121,3182.022217
	C2850.108643,3189.603271 2836.138916,3197.009766 2822.507812,3204.992188
	C2818.671631,3207.238770 2815.865479,3211.244385 2811.917480,3215.746582
	C2803.812988,3212.283447 2796.378418,3207.516602 2788.964600,3200.324951
	C2793.007080,3191.423340 2799.382812,3187.998535 2805.999023,3184.982422
	C2834.122314,3172.162109 2860.485596,3156.158203 2887.041748,3140.483887
	C2893.489014,3136.678223 2899.264160,3132.685303 2900.163330,3124.496338
	C2914.998779,3122.967041 2929.834473,3121.437988 2946.391113,3119.972168
z"/>
<path fill="#677083" opacity="1.000000" stroke="none"
	d="
M2575.323486,3271.699707
	C2580.471680,3266.719238 2585.536865,3261.648926 2590.791016,3256.782959
	C2596.052246,3251.911133 2601.502930,3247.243896 2609.246582,3241.304688
	C2614.266846,3239.906006 2616.997559,3240.044189 2619.541016,3239.419678
	C2650.971191,3231.699463 2682.034912,3222.718262 2712.740723,3212.465576
	C2718.949951,3210.392578 2725.542969,3209.469971 2731.959229,3208.016846
	C2731.824219,3216.524658 2731.689453,3225.032471 2729.250977,3234.973633
	C2709.867920,3241.461914 2692.831543,3246.668213 2675.698486,3251.534424
	C2652.892578,3258.011963 2630.186035,3264.689941 2606.667480,3268.612549
	C2596.180420,3270.361816 2585.962646,3272.457764 2575.323486,3271.699707
z"/>
<path fill="#4C5467" opacity="1.000000" stroke="none"
	d="
M2732.224121,3206.263672
	C2725.542969,3209.469971 2718.949951,3210.392578 2712.740723,3212.465576
	C2682.034912,3222.718262 2650.971191,3231.699463 2619.541016,3239.419678
	C2616.997559,3240.044189 2614.266846,3239.906006 2610.017578,3240.208984
	C2610.705566,3237.213623 2612.628418,3233.746826 2615.357910,3231.116943
	C2625.699707,3221.152100 2634.135742,3209.760986 2642.618652,3196.802246
	C2661.846436,3196.604004 2678.633545,3190.999756 2695.114990,3184.342285
	C2705.483643,3180.153564 2715.564453,3175.168457 2728.699951,3176.314941
	C2730.949463,3185.796387 2731.719238,3195.153564 2732.224121,3206.263672
z"/>
<path fill="#707B8E" opacity="1.000000" stroke="none"
	d="
M2573.996338,3271.970703
	C2585.962646,3272.457764 2596.180420,3270.361816 2606.667480,3268.612549
	C2630.186035,3264.689941 2652.892578,3258.011963 2675.698486,3251.534424
	C2692.831543,3246.668213 2709.867920,3241.461914 2728.652588,3236.418457
	C2729.459229,3242.167725 2728.561035,3247.905273 2726.987305,3254.873779
	C2721.852539,3257.145752 2717.233887,3257.748779 2712.957275,3259.296631
	C2673.883789,3273.441406 2633.036133,3280.841797 2592.935059,3291.072266
	C2575.898193,3289.859863 2559.593750,3299.770020 2541.156738,3293.297363
	C2550.909668,3285.538330 2561.789551,3278.889893 2573.996338,3271.970703
z"/>
<path fill="#586174" opacity="1.000000" stroke="none"
	d="
M2898.342773,3124.314453
	C2899.264160,3132.685303 2893.489014,3136.678223 2887.041748,3140.483887
	C2860.485596,3156.158203 2834.122314,3172.162109 2805.999023,3184.982422
	C2799.382812,3187.998535 2793.007080,3191.423340 2788.345215,3199.155762
	C2782.791504,3195.771973 2777.877686,3191.131836 2772.675781,3183.943359
	C2773.716064,3176.142578 2778.524414,3174.816406 2782.494629,3172.775635
	C2795.288086,3166.199219 2808.313721,3160.069092 2821.038086,3153.365234
	C2831.995605,3147.592773 2842.659668,3141.263916 2853.462158,3135.196289
	C2857.894531,3132.706787 2859.861084,3128.783936 2860.168457,3123.865967
	C2872.286377,3123.954834 2884.404297,3124.043701 2898.342773,3124.314453
z"/>
<path fill="#475062" opacity="1.000000" stroke="none"
	d="
M2858.965332,3122.802002
	C2859.861084,3128.783936 2857.894531,3132.706787 2853.462158,3135.196289
	C2842.659668,3141.263916 2831.995605,3147.592773 2821.038086,3153.365234
	C2808.313721,3160.069092 2795.288086,3166.199219 2782.494629,3172.775635
	C2778.524414,3174.816406 2773.716064,3176.142578 2772.131836,3182.791992
	C2766.896729,3178.314941 2761.917480,3172.440186 2756.390381,3165.391602
	C2761.744629,3152.379150 2773.522461,3148.759766 2784.484863,3144.536865
	C2798.761963,3139.037354 2811.385010,3131.053711 2824.008789,3120.380371
	C2835.737305,3119.955811 2846.749756,3120.846924 2858.965332,3122.802002
z"/>
<path fill="#242D40" opacity="1.000000" stroke="none"
	d="
M2844.364258,3233.790283
	C2845.025146,3233.218262 2846.317139,3233.447754 2848.247070,3234.471191
	C2847.588623,3235.040771 2846.291992,3234.816162 2844.364258,3233.790283
z"/>
<path fill="#8D98AB" opacity="1.000000" stroke="none"
	d="
M1788.700928,3027.645996
	C1792.630249,3032.101807 1796.349731,3036.766357 1800.530884,3040.971924
	C1810.343262,3050.841797 1820.376343,3060.492432 1831.135986,3072.761719
	C1831.683838,3082.917480 1836.867065,3087.435059 1841.913696,3091.640137
	C1855.074707,3102.607178 1868.931519,3112.765625 1881.769409,3124.087402
	C1903.639771,3143.375977 1927.739380,3159.640137 1951.927368,3175.607666
	C1974.496704,3190.506836 1998.417236,3203.382324 2021.954346,3216.777100
	C2028.153931,3220.305176 2033.197632,3223.766602 2031.982666,3231.841309
	C2024.879028,3234.254883 2017.775391,3236.668701 2009.264282,3238.947021
	C2008.023560,3233.953125 2007.243286,3229.983398 2002.263062,3227.136719
	C1990.168579,3220.224121 1978.602661,3212.385010 1966.492188,3205.502686
	C1941.074707,3191.058105 1917.735229,3173.585693 1894.474976,3156.074951
	C1873.849854,3140.547852 1853.498169,3124.552979 1834.080322,3107.559570
	C1818.574585,3093.989746 1804.705566,3078.556152 1790.023193,3064.037354
	C1757.840088,3032.212891 1729.533569,2997.177979 1703.999146,2959.884277
	C1688.641113,2937.453369 1673.559082,2914.829590 1658.643188,2892.102051
	C1654.646118,2886.011230 1651.597290,2879.279785 1648.333374,2872.732666
	C1646.132568,2868.318115 1643.237915,2864.972900 1636.691528,2863.864014
	C1636.788940,2856.750244 1638.346680,2849.843750 1641.944824,2841.571289
	C1646.708374,2841.721680 1650.563965,2842.548828 1651.974365,2844.865234
	C1662.324585,2861.861572 1671.907837,2879.325439 1682.282715,2896.306152
	C1691.601562,2911.558350 1701.050415,2926.791016 1711.453613,2941.307129
	C1730.734375,2968.210693 1750.476318,2994.776611 1771.795532,3020.168213
	C1776.807617,3026.137695 1781.557007,3028.532959 1788.700928,3027.645996
z"/>
<path fill="#7D889C" opacity="1.000000" stroke="none"
	d="
M2033.396729,3231.859863
	C2033.197632,3223.766602 2028.153931,3220.305176 2021.954346,3216.777100
	C1998.417236,3203.382324 1974.496704,3190.506836 1951.927368,3175.607666
	C1927.739380,3159.640137 1903.639771,3143.375977 1881.769409,3124.087402
	C1868.931519,3112.765625 1855.074707,3102.607178 1841.913696,3091.640137
	C1836.867065,3087.435059 1831.683838,3082.917480 1831.879517,3073.859375
	C1840.550049,3078.072754 1849.410645,3083.545410 1858.009521,3089.402344
	C1872.728149,3099.427002 1888.721313,3106.676270 1905.579956,3112.208496
	C1909.914551,3113.631104 1914.100220,3115.507324 1919.408691,3119.543945
	C1920.919922,3123.130859 1921.009155,3124.866943 1921.887817,3125.490479
	C1937.471313,3136.549316 1953.017456,3147.670898 1968.867310,3158.339355
	C1976.519043,3163.489502 1985.138306,3167.220215 1992.695923,3172.488037
	C2011.218872,3185.399170 2030.390137,3196.988037 2051.799072,3204.484863
	C2057.658936,3206.536621 2059.807373,3210.951172 2060.322266,3216.630859
	C2058.275146,3218.944824 2056.653564,3222.066406 2054.096924,3223.411865
	C2047.899902,3226.673828 2041.267700,3229.109619 2033.396729,3231.859863
z"/>
<path fill="#384052" opacity="1.000000" stroke="none"
	d="
M2208.546875,3155.541504
	C2215.187988,3167.789795 2221.829346,3180.038330 2227.725098,3194.846436
	C2224.513428,3197.535400 2221.817627,3198.382324 2219.617432,3197.678955
	C2203.295898,3192.460205 2187.133545,3186.740234 2170.791504,3181.589844
	C2163.312988,3179.232666 2155.541504,3177.805664 2147.902832,3175.957031
	C2141.158447,3158.844482 2138.841553,3157.641602 2120.857910,3162.337402
	C2114.842285,3155.259521 2108.295898,3152.058594 2101.750732,3148.819824
	C2089.310303,3142.664062 2076.914551,3136.417480 2064.469482,3130.270508
	C2059.095459,3127.615967 2053.685303,3125.068115 2051.242188,3119.001953
	C2061.034424,3111.437500 2073.398193,3111.458008 2086.682373,3108.856689
	C2092.823975,3113.427490 2096.303711,3117.738770 2100.799561,3120.172852
	C2131.170410,3136.615723 2164.176514,3146.757812 2196.180908,3159.290039
	C2200.697510,3161.058838 2205.408203,3160.036377 2208.546875,3155.541504
z"/>
<path fill="#6A7588" opacity="1.000000" stroke="none"
	d="
M2061.790039,3216.594238
	C2059.807373,3210.951172 2057.658936,3206.536621 2051.799072,3204.484863
	C2030.390137,3196.988037 2011.218872,3185.399170 1992.695923,3172.488037
	C1985.138306,3167.220215 1976.519043,3163.489502 1968.867310,3158.339355
	C1953.017456,3147.670898 1937.471313,3136.549316 1921.887817,3125.490479
	C1921.009155,3124.866943 1920.919922,3123.130859 1920.492310,3120.440918
	C1937.760620,3120.790283 1954.999878,3122.611572 1974.249268,3125.921631
	C1978.205078,3133.475098 1982.844238,3136.963623 1988.031006,3140.083984
	C1999.830811,3147.182617 2011.472290,3154.545166 2023.298950,3161.597900
	C2032.311890,3166.972900 2041.353882,3172.338867 2050.663574,3177.167480
	C2063.954590,3184.061523 2077.502197,3190.460449 2090.940186,3197.071045
	C2088.232666,3199.734131 2085.688232,3202.592529 2082.783203,3205.019043
	C2076.922607,3209.915039 2071.763672,3216.103271 2061.790039,3216.594238
z"/>
<path fill="#6D778A" opacity="1.000000" stroke="none"
	d="
M2327.257812,3286.894043
	C2324.159668,3293.149658 2318.516357,3292.600586 2313.448242,3291.522217
	C2283.149902,3285.073975 2252.199463,3281.826172 2222.488525,3272.439453
	C2202.320801,3266.067871 2181.888428,3260.531982 2161.564209,3254.657227
	C2158.408447,3253.744873 2155.198486,3253.019287 2150.521973,3252.195068
	C2147.486572,3245.188965 2145.942871,3238.195312 2146.064453,3229.671631
	C2164.622314,3233.089844 2181.405273,3238.460205 2198.432861,3242.889404
	C2224.992432,3249.798096 2251.696533,3256.159180 2278.422119,3262.395996
	C2280.134033,3262.795898 2282.558594,3260.140381 2284.651855,3258.906250
	C2291.175781,3262.873779 2297.787598,3266.705322 2304.201172,3270.843750
	C2311.713135,3275.690430 2319.052734,3280.805176 2327.257812,3286.894043
z"/>
<path fill="#586174" opacity="1.000000" stroke="none"
	d="
M2091.991699,3196.699219
	C2077.502197,3190.460449 2063.954590,3184.061523 2050.663574,3177.167480
	C2041.353882,3172.338867 2032.311890,3166.972900 2023.298950,3161.597900
	C2011.472290,3154.545166 1999.830811,3147.182617 1988.031006,3140.083984
	C1982.844238,3136.963623 1978.205078,3133.475098 1976.011963,3126.101074
	C1987.920532,3124.504883 2000.076538,3124.217773 2014.295410,3125.337646
	C2017.448120,3128.325439 2018.182129,3130.520996 2019.683838,3131.389648
	C2032.141968,3138.596680 2044.631348,3145.766357 2057.330811,3152.535400
	C2069.481689,3159.012695 2081.813477,3165.167480 2094.229736,3171.122314
	C2100.057617,3173.916992 2103.910400,3177.706543 2104.252441,3184.401611
	C2100.515869,3188.376709 2096.779541,3192.352051 2091.991699,3196.699219
z"/>
<path fill="#5B6477" opacity="1.000000" stroke="none"
	d="
M2284.315430,3257.653809
	C2282.558594,3260.140381 2280.134033,3262.795898 2278.422119,3262.395996
	C2251.696533,3256.159180 2224.992432,3249.798096 2198.432861,3242.889404
	C2181.405273,3238.460205 2164.622314,3233.089844 2146.197266,3228.142578
	C2144.379150,3221.255615 2144.093506,3214.367188 2145.529297,3205.770508
	C2158.366455,3207.870605 2169.382324,3212.010742 2180.623291,3215.405029
	C2195.020752,3219.751953 2209.772461,3222.972656 2224.043457,3227.674561
	C2234.897949,3231.250732 2245.675537,3232.871582 2256.956543,3231.572754
	C2269.143799,3236.388428 2276.550293,3246.407227 2284.315430,3257.653809
z"/>
<path fill="#4C5467" opacity="1.000000" stroke="none"
	d="
M2256.562988,3230.236328
	C2245.675537,3232.871582 2234.897949,3231.250732 2224.043457,3227.674561
	C2209.772461,3222.972656 2195.020752,3219.751953 2180.623291,3215.405029
	C2169.382324,3212.010742 2158.366455,3207.870605 2145.724609,3204.055176
	C2145.047607,3195.652588 2145.896484,3187.257080 2147.324219,3177.409424
	C2155.541504,3177.805664 2163.312988,3179.232666 2170.791504,3181.589844
	C2187.133545,3186.740234 2203.295898,3192.460205 2219.617432,3197.678955
	C2221.817627,3198.382324 2224.513428,3197.535400 2227.898193,3196.268555
	C2230.938721,3196.489746 2233.676270,3197.392090 2235.079590,3199.284180
	C2242.297852,3209.016113 2249.173828,3219.002686 2256.562988,3230.236328
z"/>
<path fill="#475062" opacity="1.000000" stroke="none"
	d="
M2105.407227,3183.785645
	C2103.910400,3177.706543 2100.057617,3173.916992 2094.229736,3171.122314
	C2081.813477,3165.167480 2069.481689,3159.012695 2057.330811,3152.535400
	C2044.631348,3145.766357 2032.141968,3138.596680 2019.683838,3131.389648
	C2018.182129,3130.520996 2017.448120,3128.325439 2016.105957,3125.375488
	C2025.946411,3118.184326 2037.224609,3120.613037 2049.610352,3119.196533
	C2053.685303,3125.068115 2059.095459,3127.615967 2064.469482,3130.270508
	C2076.914551,3136.417480 2089.310303,3142.664062 2101.750732,3148.819824
	C2108.295898,3152.058594 2114.842285,3155.259521 2119.553711,3163.002197
	C2115.644531,3170.555664 2111.103271,3176.862549 2105.407227,3183.785645
z"/>
<path fill="#03091E" opacity="1.000000" stroke="none"
	d="
M1996.053711,3243.337158
	C1995.615356,3241.906982 1996.527954,3241.216797 1998.824219,3241.406982
	C1999.036377,3242.634033 1998.101929,3243.230469 1996.053711,3243.337158
z"/>
<path fill="#7D889C" opacity="1.000000" stroke="none"
	d="
M1782.247803,1851.896484
	C1776.712280,1867.213989 1769.321411,1882.422974 1762.899292,1898.030640
	C1759.212280,1906.991089 1757.096558,1916.598145 1751.898682,1927.101196
	C1747.243286,1929.511353 1744.253052,1930.177490 1742.790039,1932.042114
	C1725.636719,1953.905396 1711.366577,1977.706665 1697.306152,2001.584839
	C1687.619141,2018.036011 1678.771973,2035.003906 1670.117188,2052.029541
	C1666.870605,2058.415771 1662.328857,2060.571533 1655.770874,2060.119385
	C1651.593262,2051.851318 1647.415649,2043.583374 1643.148560,2033.875610
	C1650.891724,2032.291260 1654.050415,2026.807617 1657.692627,2020.874146
	C1677.675659,1988.320312 1695.593262,1954.501221 1717.921143,1923.373779
	C1731.379272,1904.611328 1745.364258,1886.324097 1760.769653,1869.117432
	C1763.830933,1865.698242 1766.497437,1861.886597 1769.042480,1858.054443
	C1771.894897,1853.759399 1775.839478,1851.981323 1782.247803,1851.896484
z"/>
<path fill="#2B3343" opacity="1.000000" stroke="none"
	d="
M2211.202637,1707.005127
	C2207.893066,1718.176758 2203.615723,1728.242920 2196.769043,1739.245117
	C2169.126465,1745.036865 2146.530518,1756.129395 2124.460205,1768.354858
	C2122.093506,1769.665894 2121.242676,1773.713013 2119.688721,1776.490967
	C2108.356445,1771.785522 2097.024170,1767.080200 2084.711914,1761.398193
	C2085.258545,1757.665894 2086.215088,1754.248291 2088.453857,1752.318481
	C2091.371094,1749.804077 2095.282471,1748.425293 2098.805420,1746.635010
	C2124.041992,1733.810669 2149.912842,1722.497314 2176.817383,1713.591553
	C2183.043457,1711.530762 2189.148193,1709.046509 2195.164062,1706.425415
	C2200.209229,1704.227295 2205.096680,1702.917969 2211.202637,1707.005127
z"/>
<path fill="#8D98AB" opacity="1.000000" stroke="none"
	d="
M1559.403564,2404.081055
	C1559.517212,2422.793701 1559.630981,2441.506104 1558.140503,2462.483398
	C1555.232300,2466.171143 1552.842163,2467.562988 1552.801025,2469.021484
	C1552.539307,2478.296875 1551.284790,2487.933350 1553.312500,2496.772949
	C1555.286621,2505.378662 1555.876465,2513.773193 1556.022339,2522.395508
	C1556.089844,2526.385986 1555.854614,2530.448975 1556.513306,2534.351318
	C1560.140991,2555.840576 1564.661011,2577.200195 1567.623901,2598.775879
	C1571.695435,2628.424072 1579.348145,2657.155518 1588.064697,2685.638672
	C1590.836426,2694.695801 1592.709106,2703.604004 1591.789307,2713.033203
	C1588.581665,2711.737549 1585.374023,2710.441650 1581.079834,2706.737305
	C1579.153687,2697.150391 1578.899170,2689.841553 1577.332764,2682.825439
	C1575.175903,2673.164307 1571.746216,2663.794434 1569.352661,2654.177490
	C1558.826294,2611.886230 1550.013184,2569.295898 1547.891357,2525.594238
	C1547.795166,2523.611572 1547.936646,2521.427979 1547.162231,2519.698730
	C1542.901245,2510.187012 1544.051392,2500.144531 1544.031128,2490.243896
	C1543.953735,2452.387451 1544.057007,2414.530518 1543.939331,2376.674561
	C1543.921387,2370.904541 1545.624146,2364.531006 1540.005371,2360.000000
	C1540.005615,2358.224365 1540.005859,2356.448486 1540.010376,2353.341309
	C1544.346924,2351.342773 1548.108398,2349.348389 1547.651001,2344.566406
	C1546.111450,2328.473389 1551.039429,2313.068115 1552.437256,2297.296875
	C1553.827759,2281.607910 1557.788940,2266.114746 1561.097046,2250.636719
	C1564.405762,2235.156006 1568.034790,2219.730957 1572.030518,2204.413818
	C1574.853271,2193.593018 1578.675415,2183.035889 1581.685791,2172.258789
	C1582.304199,2170.044189 1581.298828,2167.376465 1580.126587,2163.256836
	C1579.211182,2161.596436 1579.792969,2159.937744 1579.792969,2159.937744
	C1583.013794,2158.778076 1586.234741,2157.618652 1590.729248,2158.018799
	C1591.184570,2165.412109 1590.897461,2171.380371 1589.456299,2177.055664
	C1582.980103,2202.562500 1576.014404,2227.945312 1569.582886,2253.463135
	C1567.503784,2261.712646 1566.293701,2270.205078 1565.072754,2278.642334
	C1561.592773,2302.689941 1555.671387,2326.419922 1555.877930,2350.961426
	C1555.916138,2355.490967 1554.165649,2360.009521 1553.880859,2364.573242
	C1553.184448,2375.731934 1552.617065,2386.912354 1552.527344,2398.088379
	C1552.497192,2401.831787 1556.009399,2403.319092 1559.403564,2404.081055
z"/>
<path fill="#808B9E" opacity="1.000000" stroke="none"
	d="
M1592.680176,2714.052979
	C1592.709106,2703.604004 1590.836426,2694.695801 1588.064697,2685.638672
	C1579.348145,2657.155518 1571.695435,2628.424072 1567.623901,2598.775879
	C1564.661011,2577.200195 1560.140991,2555.840576 1556.513306,2534.351318
	C1555.854614,2530.448975 1556.089844,2526.385986 1556.022339,2522.395508
	C1555.876465,2513.773193 1555.286621,2505.378662 1553.312500,2496.772949
	C1551.284790,2487.933350 1552.539307,2478.296875 1552.801025,2469.021484
	C1552.842163,2467.562988 1555.232300,2466.171143 1558.044434,2464.340820
	C1565.107544,2493.560547 1573.283081,2522.313721 1586.986572,2551.338379
	C1585.694946,2558.927490 1584.394287,2564.231445 1585.129517,2569.236084
	C1586.855469,2580.983154 1590.316895,2592.496826 1591.714233,2604.266357
	C1595.481689,2635.996094 1604.879395,2666.309326 1614.724365,2696.426758
	C1617.667603,2705.430908 1620.767700,2713.901367 1619.898071,2723.416748
	C1611.122314,2720.635498 1602.346680,2717.854004 1592.680176,2714.052979
z"/>
<path fill="#7D889C" opacity="1.000000" stroke="none"
	d="
M1788.358887,3026.278320
	C1781.557007,3028.532959 1776.807617,3026.137695 1771.795532,3020.168213
	C1750.476318,2994.776611 1730.734375,2968.210693 1711.453613,2941.307129
	C1701.050415,2926.791016 1691.601562,2911.558350 1682.282715,2896.306152
	C1671.907837,2879.325439 1662.324585,2861.861572 1651.974365,2844.865234
	C1650.563965,2842.548828 1646.708374,2841.721680 1642.596436,2840.191162
	C1645.018188,2831.156982 1648.828735,2822.136719 1655.066650,2812.514160
	C1665.094604,2813.958008 1666.205322,2821.233398 1669.337524,2826.796875
	C1682.254761,2849.739258 1694.894897,2872.839111 1707.985474,2895.681396
	C1711.553711,2901.907715 1716.476562,2907.343262 1720.537109,2913.305664
	C1729.040161,2925.791016 1737.112793,2938.582275 1746.000366,2950.783203
	C1747.987549,2953.510986 1752.602539,2954.324707 1756.007812,2956.019531
	C1760.722168,2968.145264 1764.861328,2980.537598 1770.317017,2992.320068
	C1775.500732,3003.515137 1782.061523,3014.072754 1788.358887,3026.278320
z"/>
<path fill="#6A7588" opacity="1.000000" stroke="none"
	d="
M1621.330322,2724.192871
	C1620.767700,2713.901367 1617.667603,2705.430908 1614.724365,2696.426758
	C1604.879395,2666.309326 1595.481689,2635.996094 1591.714233,2604.266357
	C1590.316895,2592.496826 1586.855469,2580.983154 1585.129517,2569.236084
	C1584.394287,2564.231445 1585.694946,2558.927490 1587.313232,2552.750000
	C1590.781128,2554.064697 1593.244995,2556.206543 1595.189697,2558.745850
	C1603.097412,2569.070312 1610.846191,2579.516357 1619.289307,2592.805908
	C1619.285400,2605.065918 1621.389526,2613.910645 1624.090576,2622.865479
	C1632.053467,2649.263916 1636.058716,2676.796875 1647.624390,2702.196533
	C1651.390259,2710.467041 1653.249512,2719.606201 1655.980835,2728.347900
	C1644.781372,2728.467285 1633.530029,2729.094971 1621.330322,2724.192871
z"/>
<path fill="#384052" opacity="1.000000" stroke="none"
	d="
M1767.786499,2780.068359
	C1763.965210,2792.410645 1760.143921,2804.752686 1754.721191,2818.345703
	C1739.820801,2809.462402 1734.501953,2794.184570 1728.730713,2779.649414
	C1724.489136,2768.967041 1719.185059,2759.484619 1711.284424,2751.318359
	C1715.127441,2742.268066 1717.459229,2733.536621 1705.035400,2725.713623
	C1703.638184,2722.478027 1703.741699,2721.095947 1703.321289,2719.897461
	C1696.632080,2700.827393 1689.620361,2681.864990 1683.284790,2662.678955
	C1681.285034,2656.623291 1681.054688,2649.983398 1680.014526,2643.610840
	C1691.533936,2649.577637 1703.053467,2655.544434 1714.420654,2663.434814
	C1714.296387,2667.846436 1713.679565,2670.559570 1714.456665,2672.785889
	C1719.673096,2687.730713 1724.561279,2702.838135 1730.758423,2717.380615
	C1738.779175,2736.202637 1747.873291,2754.569580 1756.614258,2773.081055
	C1758.780884,2777.669434 1762.747559,2779.840088 1767.786499,2780.068359
z"/>
<path fill="#6A7588" opacity="1.000000" stroke="none"
	d="
M1756.037842,2954.338135
	C1752.602539,2954.324707 1747.987549,2953.510986 1746.000366,2950.783203
	C1737.112793,2938.582275 1729.040161,2925.791016 1720.537109,2913.305664
	C1716.476562,2907.343262 1711.553711,2901.907715 1707.985474,2895.681396
	C1694.894897,2872.839111 1682.254761,2849.739258 1669.337524,2826.796875
	C1666.205322,2821.233398 1665.094604,2813.958008 1656.002930,2811.561035
	C1659.273193,2803.739502 1664.034668,2796.268311 1671.185303,2788.702637
	C1676.414429,2791.355469 1680.129028,2793.625000 1681.939087,2796.935547
	C1688.890625,2809.648193 1694.715820,2822.990234 1701.919678,2835.547852
	C1713.088135,2855.016113 1725.072754,2874.015137 1736.637817,2893.257568
	C1739.258545,2897.617920 1742.959961,2899.872803 1747.983154,2900.087891
	C1750.678101,2917.610840 1753.373047,2935.133789 1756.037842,2954.338135
z"/>
<path fill="#555E70" opacity="1.000000" stroke="none"
	d="
M1657.028320,2729.233887
	C1653.249512,2719.606201 1651.390259,2710.467041 1647.624390,2702.196533
	C1636.058716,2676.796875 1632.053467,2649.263916 1624.090576,2622.865479
	C1621.389526,2613.910645 1619.285400,2605.065918 1619.867188,2594.019043
	C1632.879395,2601.970215 1644.329712,2613.208984 1654.863892,2628.892578
	C1656.510742,2636.549072 1656.301025,2641.985840 1657.747803,2646.938965
	C1663.096680,2665.250977 1668.888306,2683.437012 1674.728394,2701.601318
	C1677.537964,2710.339844 1680.826904,2718.924072 1683.898804,2727.578369
	C1675.291138,2728.425293 1666.683472,2729.272461 1657.028320,2729.233887
z"/>
<path fill="#586174" opacity="1.000000" stroke="none"
	d="
M1748.078613,2898.305176
	C1742.959961,2899.872803 1739.258545,2897.617920 1736.637817,2893.257568
	C1725.072754,2874.015137 1713.088135,2855.016113 1701.919678,2835.547852
	C1694.715820,2822.990234 1688.890625,2809.648193 1681.939087,2796.935547
	C1680.129028,2793.625000 1676.414429,2791.355469 1672.248779,2787.914062
	C1676.117065,2777.325195 1683.342651,2769.389160 1694.728516,2765.177002
	C1698.900269,2773.766357 1700.874268,2781.606689 1704.455566,2788.627441
	C1714.699219,2808.709717 1725.694702,2828.406738 1736.176025,2848.370117
	C1739.459106,2854.623047 1744.670044,2856.261719 1751.040283,2856.135010
	C1747.997314,2869.449463 1747.984741,2882.978760 1748.078613,2898.305176
z"/>
<path fill="#939EB2" opacity="1.000000" stroke="none"
	d="
M1538.814209,2361.173828
	C1545.624146,2364.531006 1543.921387,2370.904541 1543.939331,2376.674561
	C1544.057007,2414.530518 1543.953735,2452.387451 1544.031128,2490.243896
	C1544.051392,2500.144531 1542.901245,2510.187012 1547.162231,2519.698730
	C1547.936646,2521.427979 1547.795166,2523.611572 1547.891357,2525.594238
	C1550.013184,2569.295898 1558.826294,2611.886230 1569.352661,2654.177490
	C1571.746216,2663.794434 1575.175903,2673.164307 1577.332764,2682.825439
	C1578.899170,2689.841553 1579.153687,2697.150391 1579.988159,2706.018555
	C1576.402954,2705.846191 1572.822876,2703.984375 1568.505615,2701.130859
	C1570.711914,2698.011963 1572.120850,2695.239746 1571.225464,2691.586182
	C1569.812012,2685.820068 1568.550293,2680.006348 1566.865601,2674.318848
	C1558.238770,2645.197266 1551.756958,2615.659912 1547.357666,2585.566162
	C1544.500244,2566.020264 1542.207275,2546.414795 1539.503906,2526.890869
	C1532.451660,2475.956299 1537.935181,2424.945068 1536.084595,2374.022949
	C1535.944092,2370.154785 1537.080322,2366.240234 1538.814209,2361.173828
z"/>
<path fill="#475062" opacity="1.000000" stroke="none"
	d="
M1751.324463,2854.450195
	C1744.670044,2856.261719 1739.459106,2854.623047 1736.176025,2848.370117
	C1725.694702,2828.406738 1714.699219,2808.709717 1704.455566,2788.627441
	C1700.874268,2781.606689 1698.900269,2773.766357 1696.036255,2764.746582
	C1700.226929,2759.493896 1704.573486,2755.795410 1710.102295,2751.707520
	C1719.185059,2759.484619 1724.489136,2768.967041 1728.730713,2779.649414
	C1734.501953,2794.184570 1739.820801,2809.462402 1754.467773,2819.826416
	C1754.413330,2830.959473 1753.011108,2841.862549 1751.324463,2854.450195
z"/>
<path fill="#475062" opacity="1.000000" stroke="none"
	d="
M1685.551514,2727.750732
	C1680.826904,2718.924072 1677.537964,2710.339844 1674.728394,2701.601318
	C1668.888306,2683.437012 1663.096680,2665.250977 1657.747803,2646.938965
	C1656.301025,2641.985840 1656.510742,2636.549072 1655.928711,2629.663574
	C1665.280518,2629.406982 1671.564819,2636.106934 1679.356201,2642.484863
	C1681.054688,2649.983398 1681.285034,2656.623291 1683.284790,2662.678955
	C1689.620361,2681.864990 1696.632080,2700.827393 1703.321289,2719.897461
	C1703.741699,2721.095947 1703.638184,2722.478027 1703.739502,2725.175293
	C1698.201782,2727.025146 1692.703003,2727.474121 1685.551514,2727.750732
z"/>
<path fill="#313A4D" opacity="1.000000" stroke="none"
	d="
M1756.929565,2059.202637
	C1765.092407,2071.797607 1767.832886,2086.444092 1771.103760,2102.215820
	C1766.786377,2106.435303 1761.826294,2108.405518 1761.278076,2111.231445
	C1757.983521,2128.213623 1747.823853,2142.376221 1742.793579,2158.563965
	C1738.581787,2172.117676 1729.516113,2184.403320 1732.008667,2199.714600
	C1721.010620,2205.079102 1710.012573,2210.443848 1696.476929,2215.030518
	C1691.309448,2209.933105 1691.992432,2205.554688 1693.547607,2201.075195
	C1696.971069,2191.214844 1700.032959,2181.220947 1703.729248,2171.466064
	C1707.276733,2162.103760 1708.854736,2152.613037 1707.677734,2142.672363
	C1709.634155,2139.448730 1711.562012,2136.207520 1713.554077,2133.005859
	C1715.860840,2129.298096 1715.051880,2125.806641 1713.859863,2121.020508
	C1721.679199,2117.793945 1725.291016,2112.976074 1727.975464,2106.533691
	C1732.470703,2095.745850 1737.836060,2085.323730 1742.665894,2074.670898
	C1745.738037,2067.894531 1750.269409,2062.602051 1756.929565,2059.202637
z"/>
<path fill="#808B9E" opacity="1.000000" stroke="none"
	d="
M1559.764648,2402.518555
	C1556.009399,2403.319092 1552.497192,2401.831787 1552.527344,2398.088379
	C1552.617065,2386.912354 1553.184448,2375.731934 1553.880859,2364.573242
	C1554.165649,2360.009521 1555.916138,2355.490967 1555.877930,2350.961426
	C1555.671387,2326.419922 1561.592773,2302.689941 1565.072754,2278.642334
	C1566.293701,2270.205078 1567.503784,2261.712646 1569.582886,2253.463135
	C1576.014404,2227.945312 1582.980103,2202.562500 1589.456299,2177.055664
	C1590.897461,2171.380371 1591.184570,2165.412109 1592.018555,2157.926270
	C1595.313232,2154.486572 1598.592407,2152.698730 1603.783936,2150.346680
	C1606.762329,2149.571045 1607.520142,2148.969971 1607.969727,2147.979492
	C1609.672241,2147.847656 1611.374878,2147.715576 1614.471191,2149.234375
	C1615.704102,2162.308838 1611.837769,2172.856689 1608.260376,2183.492432
	C1605.315430,2192.247803 1602.579102,2201.073975 1599.795898,2209.883057
	C1592.818604,2231.967041 1589.240967,2254.828125 1584.456055,2277.410889
	C1581.723389,2290.307617 1579.075439,2303.227051 1576.723755,2316.197021
	C1575.668579,2322.016846 1574.506836,2328.224121 1580.817139,2332.340088
	C1580.057495,2335.486816 1579.910889,2338.959717 1578.439209,2341.727783
	C1568.549927,2360.327637 1564.748047,2380.759521 1559.764648,2402.518555
z"/>
<path fill="#677083" opacity="1.000000" stroke="none"
	d="
M1655.937256,2061.479492
	C1662.328857,2060.571533 1666.870605,2058.415771 1670.117188,2052.029541
	C1678.771973,2035.003906 1687.619141,2018.036011 1697.306152,2001.584839
	C1711.366577,1977.706665 1725.636719,1953.905396 1742.790039,1932.042114
	C1744.253052,1930.177490 1747.243286,1929.511353 1750.958740,1928.213867
	C1751.293457,1937.104126 1750.011597,1946.051392 1749.151611,1955.039307
	C1748.473511,1962.126831 1748.314575,1969.264160 1746.445068,1978.331909
	C1742.369629,1982.176147 1738.868896,1983.512817 1737.316895,1986.044434
	C1719.042725,2015.852661 1700.016724,2045.265015 1686.813965,2077.871826
	C1684.804688,2082.833984 1682.584351,2087.796875 1676.013062,2087.999268
	C1669.376587,2079.612793 1662.739990,2071.226318 1655.937256,2061.479492
z"/>
<path fill="#555E70" opacity="1.000000" stroke="none"
	d="
M1660.051270,2240.228027
	C1648.870728,2250.532959 1637.690186,2260.838135 1625.279053,2270.067139
	C1624.542480,2265.055908 1624.658569,2261.027344 1625.599976,2257.202148
	C1628.761475,2244.355469 1632.969971,2231.720703 1635.379272,2218.745117
	C1638.784180,2200.407959 1644.913696,2182.949463 1651.550293,2165.733643
	C1654.784912,2157.342529 1656.427124,2149.286621 1655.875366,2140.541992
	C1664.627197,2140.709717 1673.379150,2140.877441 1683.250732,2143.439209
	C1678.279175,2165.157715 1672.583374,2184.618896 1665.951782,2203.755859
	C1661.817749,2215.685547 1658.867798,2227.556396 1660.051270,2240.228027
z"/>
<path fill="#677083" opacity="1.000000" stroke="none"
	d="
M1654.240967,2140.347900
	C1656.427124,2149.286621 1654.784912,2157.342529 1651.550293,2165.733643
	C1644.913696,2182.949463 1638.784180,2200.407959 1635.379272,2218.745117
	C1632.969971,2231.720703 1628.761475,2244.355469 1625.599976,2257.202148
	C1624.658569,2261.027344 1624.542480,2265.055908 1624.090088,2270.692383
	C1616.959595,2281.346680 1609.787231,2290.300049 1601.357178,2298.130615
	C1600.129517,2291.082031 1599.231201,2284.973877 1600.353516,2279.262939
	C1604.765015,2256.815674 1608.247070,2234.168213 1615.314697,2212.273193
	C1622.563721,2189.815918 1629.094727,2167.127197 1636.049316,2143.809326
	C1636.158569,2143.078857 1636.298950,2141.608154 1636.298950,2141.608398
	C1641.734863,2141.123535 1647.170776,2140.638672 1654.240967,2140.347900
z"/>
<path fill="#707B8E" opacity="1.000000" stroke="none"
	d="
M1635.939941,2144.539795
	C1629.094727,2167.127197 1622.563721,2189.815918 1615.314697,2212.273193
	C1608.247070,2234.168213 1604.765015,2256.815674 1600.353516,2279.262939
	C1599.231201,2284.973877 1600.129517,2291.082031 1600.214722,2298.843994
	C1594.538940,2310.725342 1588.747681,2320.770264 1581.886841,2331.577637
	C1574.506836,2328.224121 1575.668579,2322.016846 1576.723755,2316.197021
	C1579.075439,2303.227051 1581.723389,2290.307617 1584.456055,2277.410889
	C1589.240967,2254.828125 1592.818604,2231.967041 1599.795898,2209.883057
	C1602.579102,2201.073975 1605.315430,2192.247803 1608.260376,2183.492432
	C1611.837769,2172.856689 1615.704102,2162.308838 1615.753662,2149.222656
	C1615.642578,2147.560791 1615.321899,2147.477295 1616.285278,2147.364746
	C1618.535889,2146.918701 1619.487427,2146.162598 1620.103149,2144.984375
	C1622.872681,2144.479736 1625.642212,2143.975098 1630.987793,2143.770264
	C1634.355957,2144.226562 1635.147949,2144.383301 1635.939941,2144.539795
z"/>
<path fill="#555E70" opacity="1.000000" stroke="none"
	d="
M1676.516602,2089.233154
	C1682.584351,2087.796875 1684.804688,2082.833984 1686.813965,2077.871826
	C1700.016724,2045.265015 1719.042725,2015.852661 1737.316895,1986.044434
	C1738.868896,1983.512817 1742.369629,1982.176147 1746.327271,1980.082642
	C1747.964355,1991.933472 1748.239136,2003.986084 1747.276001,2018.465332
	C1743.619873,2023.122070 1740.566650,2024.954712 1738.883423,2027.644775
	C1724.870361,2050.036865 1712.541382,2073.361572 1701.643555,2097.413086
	C1700.084839,2100.853027 1700.391602,2105.137939 1699.834961,2109.031982
	C1690.066895,2105.501953 1683.835938,2097.625244 1676.516602,2089.233154
z"/>
<path fill="#475062" opacity="1.000000" stroke="none"
	d="
M1700.402588,2110.054199
	C1700.391602,2105.137939 1700.084839,2100.853027 1701.643555,2097.413086
	C1712.541382,2073.361572 1724.870361,2050.036865 1738.883423,2027.644775
	C1740.566650,2024.954712 1743.619873,2023.122070 1747.330688,2020.258667
	C1754.328003,2031.084351 1756.062134,2043.407227 1756.733154,2057.603516
	C1750.269409,2062.602051 1745.738037,2067.894531 1742.665894,2074.670898
	C1737.836060,2085.323730 1732.470703,2095.745850 1727.975464,2106.533691
	C1725.291016,2112.976074 1721.679199,2117.793945 1713.350342,2119.862793
	C1708.271118,2117.063721 1704.620605,2114.070068 1700.402588,2110.054199
z"/>
<path fill="#3F485A" opacity="1.000000" stroke="none"
	d="
M1661.301270,2239.662109
	C1658.867798,2227.556396 1661.817749,2215.685547 1665.951782,2203.755859
	C1672.583374,2184.618896 1678.279175,2165.157715 1684.713135,2144.131104
	C1691.523438,2142.718994 1697.990845,2143.009521 1706.068115,2142.986328
	C1708.854736,2152.613037 1707.276733,2162.103760 1703.729248,2171.466064
	C1700.032959,2181.220947 1696.971069,2191.214844 1693.547607,2201.075195
	C1691.992432,2205.554688 1691.309448,2209.933105 1695.067139,2215.241699
	C1684.980469,2223.852539 1673.765869,2231.474365 1661.301270,2239.662109
z"/>
<path fill="#03091E" opacity="1.000000" stroke="none"
	d="
M1579.078857,2160.135010
	C1579.792969,2159.937744 1579.211182,2161.596436 1578.946289,2162.433838
	C1578.681396,2163.271240 1577.428711,2162.835449 1576.820557,2162.570557
	C1576.705566,2161.403320 1577.423096,2160.745361 1579.078857,2160.135010
z"/>
<path fill="#111A31" opacity="1.000000" stroke="none"
	d="
M1607.283203,2147.992432
	C1607.520142,2148.969971 1606.762329,2149.571045 1604.982666,2149.568848
	C1604.894409,2148.645752 1605.670288,2148.195801 1607.283203,2147.992432
z"/>
<path fill="#555E70" opacity="1.000000" stroke="none"
	d="
M1636.049316,2143.809326
	C1635.147949,2144.383301 1634.355957,2144.226562 1632.398438,2143.730957
	C1631.958740,2142.205078 1633.008057,2141.497803 1635.339722,2141.439453
	C1636.298950,2141.608154 1636.158569,2143.078857 1636.049316,2143.809326
z"/>
<path fill="#555E70" opacity="1.000000" stroke="none"
	d="
M1619.159302,2144.906738
	C1619.487427,2146.162598 1618.535889,2146.918701 1616.310425,2147.200928
	C1615.926392,2145.893799 1616.874146,2145.120361 1619.159302,2144.906738
z"/>
<path fill="#7D889C" opacity="1.000000" stroke="none"
	d="
M3074.292969,3044.126465
	C3075.773926,3040.418701 3078.673096,3036.612061 3082.672363,3032.273438
	C3083.583252,3041.634521 3083.583252,3041.634521 3074.292969,3044.126465
z"/>
<path fill="#242D40" opacity="1.000000" stroke="none"
	d="
M3112.519531,2783.963135
	C3105.208008,2772.018555 3099.183105,2759.346924 3094.245361,2745.291992
	C3098.696533,2743.666992 3101.803223,2743.104492 3103.380371,2739.466797
	C3106.518555,2732.227539 3110.326660,2725.229736 3112.877686,2717.795410
	C3117.506592,2704.305176 3126.461914,2691.906006 3123.958008,2676.491943
	C3134.841797,2672.257324 3145.725586,2668.022705 3158.076660,2663.612061
	C3160.651611,2664.996582 3162.867920,2666.713379 3162.674072,2668.091064
	C3161.855957,2673.904053 3161.034180,2679.895264 3158.913330,2685.312500
	C3152.214844,2702.421143 3145.041992,2719.347900 3137.838379,2736.253418
	C3132.691406,2748.332520 3127.416260,2760.368164 3121.741943,2772.204590
	C3119.813965,2776.225586 3116.491455,2779.578125 3112.519531,2783.963135
z"/>
<path fill="#4C5467" opacity="1.000000" stroke="none"
	d="
M3128.996582,2895.690430
	C3128.333984,2895.395020 3128.270996,2894.687500 3128.311523,2892.918457
	C3129.024902,2892.566406 3129.717773,2893.226562 3130.190918,2894.018066
	C3130.323975,2894.240234 3129.812012,2894.847900 3128.996582,2895.690430
z"/>
<path fill="#8BAFF1" opacity="1.000000" stroke="none"
	d="
M2160.585205,3052.692871
	C2133.531494,3070.137451 2106.536865,3084.286621 2077.288574,3094.297363
	C2036.770386,3108.165771 1994.955322,3112.975586 1953.094116,3107.269531
	C1872.392456,3096.268799 1813.948730,3053.129395 1781.119385,2977.850342
	C1763.081665,2936.489258 1760.382690,2893.087158 1766.657959,2848.561035
	C1774.089966,2795.826416 1795.277954,2749.079590 1825.245850,2705.759277
	C1829.700073,2699.320068 1835.547729,2693.537109 1836.090820,2684.362061
	C1830.615601,2678.596191 1823.128540,2677.856445 1816.145020,2676.803223
	C1787.011230,2672.408691 1758.978027,2664.404541 1731.828247,2652.968506
	C1679.284912,2630.836914 1637.338623,2596.001465 1606.765869,2547.967285
	C1589.393311,2520.672607 1578.672852,2490.798096 1575.265015,2458.308105
	C1567.012451,2379.626953 1595.942627,2316.423096 1654.892456,2265.747803
	C1702.697754,2224.652832 1758.698730,2201.359619 1820.634033,2192.161865
	C1838.815308,2189.462158 1838.295654,2182.082520 1829.552246,2170.003906
	C1811.945923,2145.681641 1796.627563,2119.988037 1785.288330,2091.971191
	C1768.495483,2050.479004 1760.664185,2007.380127 1764.597534,1962.962891
	C1771.610840,1883.765625 1808.507324,1822.477539 1879.691040,1784.910156
	C1921.962280,1762.601440 1967.570435,1755.964478 2015.375244,1762.483521
	C2054.117188,1767.766724 2091.020752,1778.119873 2125.311768,1796.744873
	C2141.655029,1805.621704 2157.019531,1816.319214 2172.693604,1826.400024
	C2177.733398,1829.641479 2182.251221,1833.845459 2189.091064,1831.579834
	C2194.598633,1825.901367 2194.794922,1818.521606 2196.047363,1811.325684
	C2204.717529,1761.512329 2220.964844,1714.664307 2251.089355,1673.406494
	C2287.337891,1623.760986 2333.804932,1588.486572 2394.668701,1575.492065
	C2447.406006,1564.232544 2497.833496,1571.506104 2545.027344,1598.918579
	C2589.729248,1624.883789 2621.258789,1662.862793 2645.610107,1707.446167
	C2663.671387,1740.512573 2674.451172,1776.107056 2680.044434,1813.288208
	C2681.038330,1819.895630 2681.584717,1826.498047 2686.778809,1831.535889
	C2694.427246,1833.704712 2699.486328,1828.599487 2704.752930,1824.878052
	C2723.846680,1811.385376 2743.765381,1799.355713 2764.863037,1789.246338
	C2806.434082,1769.327026 2850.276123,1758.896118 2896.302246,1760.712036
	C2943.707764,1762.582397 2988.184570,1774.599731 3026.998535,1803.773560
	C3065.812256,1832.947144 3090.825684,1871.149048 3103.747070,1917.585083
	C3115.242676,1958.896729 3114.537842,2000.366577 3105.717041,2042.117676
	C3096.471436,2085.881104 3077.747314,2125.238037 3052.390137,2161.732178
	C3048.591797,2167.198242 3044.700928,2172.624512 3041.307861,2178.339355
	C3038.646484,2182.822510 3040.705811,2188.074951 3045.623047,2189.659668
	C3049.381104,2190.870850 3053.367676,2191.432861 3057.286621,2192.074707
	C3108.546143,2200.469238 3156.884766,2216.533203 3199.237549,2247.507568
	C3247.569824,2282.854980 3281.784180,2328.297119 3296.713867,2387.063477
	C3312.696533,2449.974121 3299.203613,2507.411865 3262.310791,2559.416748
	C3228.130127,2607.599121 3181.394043,2639.834229 3126.202881,2660.091064
	C3104.904541,2667.908447 3083.146240,2673.981934 3060.534180,2676.710449
	C3055.922119,2677.267334 3051.315674,2678.257080 3046.848877,2679.541992
	C3040.043213,2681.499268 3037.950195,2687.432617 3041.709961,2693.645996
	C3043.081055,2695.911621 3044.900635,2697.903320 3046.483887,2700.043457
	C3063.981445,2723.695557 3079.209473,2748.662109 3090.279541,2776.014160
	C3113.169678,2832.570068 3120.225586,2890.748291 3104.135742,2950.053711
	C3081.213379,3034.542969 3025.454590,3086.081055 2940.186279,3103.713379
	C2866.988037,3118.850098 2798.683350,3102.500732 2735.096924,3064.581055
	C2724.807861,3058.445312 2715.088379,3051.360107 2705.017334,3044.850342
	C2700.076660,3041.656738 2694.934326,3038.775635 2689.769043,3035.684814
	C2681.980713,3040.936035 2681.866455,3048.601318 2680.367920,3055.480957
	C2677.396484,3069.123291 2675.277100,3082.976562 2671.761475,3096.470703
	C2657.482910,3151.275635 2630.725830,3198.880127 2588.756348,3237.405273
	C2551.355957,3271.736084 2507.793457,3294.001709 2457.097168,3298.950439
	C2404.804199,3304.054932 2356.598145,3290.419434 2313.777100,3259.730957
	C2267.407715,3226.499512 2236.152344,3181.599854 2215.504395,3128.958252
	C2206.244873,3105.351074 2199.309326,3081.048584 2195.641846,3055.877686
	C2194.690186,3049.345215 2193.696045,3042.729736 2188.346436,3036.473389
	C2185.639404,3037.281982 2182.273438,3037.583740 2179.726562,3039.187500
	C2173.535645,3043.084961 2167.725098,3047.587158 2160.585205,3052.692871
M2983.477051,2641.110840
	C3008.100342,2639.366943 3032.181641,2634.561035 3055.883057,2627.871338
	C3104.174072,2614.242432 3147.086914,2590.870850 3182.030518,2554.612549
	C3210.557617,2525.012451 3227.968750,2489.309082 3231.376709,2448.091064
	C3235.430420,2399.062988 3219.137695,2356.595215 3186.235352,2320.275635
	C3156.068604,2286.975586 3118.874756,2264.555664 3077.123535,2248.897705
	C3045.741211,2237.128418 3012.951172,2232.177246 2979.542236,2224.692627
	C2976.667969,2214.880371 2973.793457,2205.067871 2971.805176,2192.645996
	C2972.403076,2191.470459 2972.794434,2190.116943 2973.629395,2189.145020
	C2997.275391,2161.624023 3015.814697,2131.010986 3028.843506,2097.156494
	C3046.631836,2050.935791 3054.883057,2003.413452 3043.806885,1954.380493
	C3031.717041,1900.861938 3000.071045,1862.281616 2949.698242,1840.350952
	C2908.083740,1822.233398 2864.717041,1820.400391 2820.625000,1830.346680
	C2776.431152,1840.316040 2736.667969,1859.689087 2700.032227,1886.030518
	C2692.597412,1891.376221 2686.395508,1898.973389 2673.390381,1900.107300
	C2668.978271,1898.771729 2664.584961,1897.370361 2660.149414,1896.117798
	C2655.107178,1894.694214 2650.027100,1893.403320 2644.337158,1888.680664
	C2643.005615,1880.150879 2641.434814,1871.650513 2640.382568,1863.086304
	C2635.285645,1821.599854 2622.034424,1782.841064 2601.124756,1746.754883
	C2581.805176,1713.412842 2556.652344,1685.322144 2523.326904,1665.466431
	C2466.838623,1631.810425 2409.803467,1632.083252 2353.260498,1665.160889
	C2318.550049,1685.466797 2292.834717,1714.791016 2273.328125,1749.696899
	C2248.595215,1793.954956 2235.930176,1841.817017 2228.431396,1892.416748
	C2218.889893,1896.328613 2209.348145,1900.240479 2197.386230,1903.004395
	C2170.968262,1880.228760 2141.778076,1861.645020 2109.848145,1847.821411
	C2063.817383,1827.892944 2016.302856,1818.638062 1965.821411,1827.949585
	C1884.996094,1842.857910 1833.842407,1902.520508 1828.431885,1984.316895
	C1824.576904,2042.597290 1840.244141,2096.389893 1871.089233,2145.706787
	C1881.643066,2162.581299 1893.500122,2178.640625 1904.271362,2198.248291
	C1901.524170,2207.981934 1898.776978,2217.715820 1892.713989,2227.998291
	C1871.183594,2231.997559 1849.352905,2234.820068 1828.181274,2240.224854
	C1772.837769,2254.353760 1723.979126,2280.263916 1686.156250,2324.135254
	C1654.173706,2361.232666 1639.460938,2404.479248 1645.064087,2453.334961
	C1650.041870,2496.737793 1671.104858,2532.862549 1702.285156,2562.487305
	C1735.601685,2594.141602 1775.211792,2615.540527 1819.633301,2627.901855
	C1844.688843,2634.874512 1870.346436,2638.282471 1896.019653,2644.576904
	C1897.265137,2648.179443 1898.084717,2652.007324 1899.846680,2655.336670
	C1903.272461,2661.809814 1904.642334,2668.525146 1901.827148,2677.521973
	C1897.562622,2684.215820 1893.624756,2691.145996 1888.978149,2697.562988
	C1866.562500,2728.519287 1848.868408,2761.796143 1838.647949,2798.784180
	C1828.077271,2837.039795 1823.321289,2875.838135 1832.309570,2914.961670
	C1845.293335,2971.476318 1879.287231,3011.027588 1933.072510,3032.489014
	C1975.307129,3049.341553 2019.044800,3048.115723 2062.491943,3037.926025
	C2110.576416,3026.648682 2152.754883,3003.194580 2190.787598,2971.968506
	C2193.225830,2969.966797 2196.438721,2968.908447 2202.230469,2968.017090
	C2211.916992,2972.087158 2221.603516,2976.157471 2231.832031,2983.560059
	C2236.061523,3017.931885 2242.750000,3051.703857 2255.732178,3084.008545
	C2273.433594,3128.056885 2299.733643,3165.751221 2337.549072,3194.896240
	C2360.102783,3212.279053 2385.645020,3223.583984 2413.748291,3227.303955
	C2455.498047,3232.830078 2494.423828,3223.694336 2529.565186,3200.178711
	C2572.421875,3171.500000 2601.305176,3131.784424 2620.145996,3084.254639
	C2633.957031,3049.413574 2641.194824,3013.043945 2648.512695,2976.070557
	C2653.304932,2974.871094 2658.162354,2973.881836 2662.870850,2972.413330
	C2667.629883,2970.929443 2672.240967,2968.970215 2679.019287,2968.922607
	C2684.982178,2973.068115 2691.040771,2977.082764 2696.893066,2981.378906
	C2753.858887,3023.196777 2816.349365,3047.853027 2888.325928,3044.336914
	C2916.912109,3042.940674 2943.692383,3035.703369 2967.822998,3020.709961
	C3018.574951,2989.175049 3044.055664,2942.419189 3047.922852,2883.291260
	C3050.818115,2839.016602 3040.648438,2797.466797 3022.437988,2757.411133
	C3009.111328,2728.097656 2991.106445,2701.812744 2972.266846,2673.261963
	C2974.855713,2662.827881 2980.988281,2653.270996 2983.477051,2641.110840
z"/>
<path fill="#1B2435" opacity="1.000000" stroke="none"
	d="
M1733.491211,2199.565918
	C1729.516113,2184.403320 1738.581787,2172.117676 1742.793579,2158.563965
	C1747.823853,2142.376221 1757.983521,2128.213623 1761.278076,2111.231445
	C1761.826294,2108.405518 1766.786377,2106.435303 1771.236938,2103.731689
	C1785.313721,2125.038330 1797.907227,2146.656738 1810.335205,2168.369873
	C1811.537598,2170.470703 1811.713379,2173.159180 1812.606323,2176.466309
	C1799.686646,2183.557373 1785.336060,2182.759766 1772.528809,2187.289062
	C1760.131226,2191.673340 1747.501343,2195.400879 1733.491211,2199.565918
z"/>
<path fill="#1B2435" opacity="1.000000" stroke="none"
	d="
M2764.139160,1772.180420
	C2759.680908,1774.900024 2755.273438,1777.707153 2750.755371,1780.322754
	C2737.641846,1787.914185 2724.471191,1795.406860 2711.354492,1802.993164
	C2709.080566,1804.308594 2707.073486,1806.107788 2704.750244,1807.311157
	C2699.052246,1810.262329 2694.024658,1808.094482 2692.626465,1802.082397
	C2691.435303,1796.961548 2690.804199,1791.701416 2689.457031,1786.627319
	C2684.899170,1769.458740 2680.133301,1752.345459 2676.895020,1733.644531
	C2706.590332,1737.741943 2731.837891,1751.108765 2757.641846,1763.030762
	C2759.396240,1763.841309 2761.227295,1765.061279 2762.307373,1766.594849
	C2763.386475,1768.126831 2763.565674,1770.292603 2764.139160,1772.180420
z"/>
<path fill="#242D40" opacity="1.000000" stroke="none"
	d="
M2208.263184,3154.124023
	C2205.408203,3160.036377 2200.697510,3161.058838 2196.180908,3159.290039
	C2164.176514,3146.757812 2131.170410,3136.615723 2100.799561,3120.172852
	C2096.303711,3117.738770 2092.823975,3113.427490 2088.199219,3108.708252
	C2098.699707,3102.361084 2109.874756,3097.290527 2122.736328,3093.481445
	C2126.105225,3096.656982 2127.415771,3099.425537 2129.531006,3100.346191
	C2142.810059,3106.127686 2156.192383,3111.693115 2169.694336,3116.933594
	C2178.252930,3120.255371 2186.688477,3124.382324 2196.275635,3123.946045
	C2200.176758,3133.532959 2204.078125,3143.119629 2208.263184,3154.124023
z"/>
<path fill="#242D40" opacity="1.000000" stroke="none"
	d="
M1768.442627,2778.805664
	C1762.747559,2779.840088 1758.780884,2777.669434 1756.614258,2773.081055
	C1747.873291,2754.569580 1738.779175,2736.202637 1730.758423,2717.380615
	C1724.561279,2702.838135 1719.673096,2687.730713 1714.456665,2672.785889
	C1713.679565,2670.559570 1714.296387,2667.846436 1715.327515,2664.454102
	C1729.110474,2668.158203 1741.834351,2672.766357 1754.465088,2679.291992
	C1753.814453,2682.363281 1752.583740,2683.664062 1752.798462,2684.649902
	C1757.105347,2704.426514 1764.700684,2722.953369 1775.193481,2740.197021
	C1776.524414,2742.384521 1780.810181,2742.773926 1783.727173,2743.996094
	C1778.851074,2755.178223 1773.974976,2766.360596 1768.442627,2778.805664
z"/>
<path fill="#2B3343" opacity="1.000000" stroke="none"
	d="
M2765.556396,1772.029175
	C2763.565674,1770.292603 2763.386475,1768.126831 2762.307373,1766.594849
	C2761.227295,1765.061279 2759.396240,1763.841309 2757.641846,1763.030762
	C2731.837891,1751.108765 2706.590332,1737.741943 2676.683350,1732.077881
	C2670.061523,1722.339844 2665.099121,1712.601685 2659.968262,1701.444092
	C2675.342041,1700.672974 2689.351562,1707.307983 2703.355957,1712.709351
	C2729.152588,1722.658936 2754.199219,1734.562988 2779.490967,1745.803711
	C2784.888184,1748.202393 2790.671387,1750.543945 2792.058594,1759.017090
	C2783.848389,1764.280518 2775.410889,1768.079102 2765.556396,1772.029175
z"/>
<path fill="#242D40" opacity="1.000000" stroke="none"
	d="
M2782.627686,3104.184570
	C2783.772461,3109.671875 2781.298340,3113.320801 2776.822754,3115.587402
	C2768.589600,3119.757568 2760.453857,3124.152832 2752.044922,3127.937988
	C2729.899902,3137.906250 2707.040283,3146.067871 2684.060547,3153.854736
	C2679.804932,3155.296875 2675.061523,3155.297852 2668.845215,3155.904297
	C2671.076660,3144.742920 2675.006348,3133.641113 2681.252930,3121.267090
	C2689.908691,3118.967041 2696.535400,3118.776855 2702.521240,3116.720947
	C2712.307373,3113.359375 2721.427734,3107.962402 2731.297363,3104.968994
	C2739.745361,3102.406250 2746.580811,3098.283936 2752.314941,3091.872070
	C2761.958252,3095.838623 2771.601562,3099.804932 2782.627686,3104.184570
z"/>
<path fill="#111A31" opacity="1.000000" stroke="none"
	d="
M2120.558105,1777.542603
	C2121.242676,1773.713013 2122.093506,1769.665894 2124.460205,1768.354858
	C2146.530518,1756.129395 2169.126465,1745.036865 2195.916504,1740.266357
	C2192.870361,1760.894653 2188.144775,1781.446289 2183.322754,1801.975342
	C2181.860107,1808.201660 2177.113525,1810.316040 2171.268066,1807.026489
	C2165.522949,1803.793335 2160.255127,1799.712402 2154.509033,1796.481689
	C2143.583008,1790.339111 2132.465332,1784.537476 2120.558105,1777.542603
z"/>
<path fill="#111A31" opacity="1.000000" stroke="none"
	d="
M2196.165527,3122.371582
	C2186.688477,3124.382324 2178.252930,3120.255371 2169.694336,3116.933594
	C2156.192383,3111.693115 2142.810059,3106.127686 2129.531006,3100.346191
	C2127.415771,3099.425537 2126.105225,3096.656982 2124.169922,3093.332031
	C2141.331299,3081.305176 2158.745361,3070.689209 2175.377197,3060.550049
	C2181.371826,3061.331299 2182.729004,3064.973633 2183.674072,3068.918945
	C2187.815186,3086.208252 2191.930664,3103.503662 2196.165527,3122.371582
z"/>
<path fill="#111A31" opacity="1.000000" stroke="none"
	d="
M2751.393555,3090.856445
	C2746.580811,3098.283936 2739.745361,3102.406250 2731.297363,3104.968994
	C2721.427734,3107.962402 2712.307373,3113.359375 2702.521240,3116.720947
	C2696.535400,3118.776855 2689.908691,3118.967041 2681.947754,3119.995361
	C2685.384521,3100.281006 2690.443359,3080.565918 2695.655029,3060.255371
	C2708.298828,3061.486816 2715.432861,3070.261963 2724.533203,3075.027100
	C2733.348389,3079.642578 2741.838867,3084.877930 2751.393555,3090.856445
z"/>
<path fill="#111A31" opacity="1.000000" stroke="none"
	d="
M3122.445801,2676.585205
	C3126.461914,2691.906006 3117.506592,2704.305176 3112.877686,2717.795410
	C3110.326660,2725.229736 3106.518555,2732.227539 3103.380371,2739.466797
	C3101.803223,2743.104492 3098.696533,2743.666992 3093.873779,2743.946289
	C3083.152100,2727.272461 3071.235352,2712.042480 3062.840088,2692.978516
	C3082.467529,2685.462891 3102.555908,2683.869385 3122.445801,2676.585205
z"/>
<path fill="#111A31" opacity="1.000000" stroke="none"
	d="
M1784.155762,2742.687744
	C1780.810181,2742.773926 1776.524414,2742.384521 1775.193481,2740.197021
	C1764.700684,2722.953369 1757.105347,2704.426514 1752.798462,2684.649902
	C1752.583740,2683.664062 1753.814453,2682.363281 1755.529053,2680.248291
	C1775.497681,2682.271240 1793.753052,2687.336182 1812.014526,2691.619385
	C1811.970947,2704.183838 1804.170410,2710.417236 1799.604736,2718.173584
	C1794.934692,2726.107178 1789.617920,2733.659912 1784.155762,2742.687744
z"/>
<path fill="#2051AD" opacity="1.000000" stroke="none"
	d="
M1904.761841,2195.072510
	C1893.500122,2178.640625 1881.643066,2162.581299 1871.089233,2145.706787
	C1840.244141,2096.389893 1824.576904,2042.597290 1828.431885,1984.316895
	C1833.842407,1902.520508 1884.996094,1842.857910 1965.821411,1827.949585
	C2016.302856,1818.638062 2063.817383,1827.892944 2109.848145,1847.821411
	C2141.778076,1861.645020 2170.968262,1880.228760 2198.763184,1904.471191
	C2200.140137,1905.937866 2200.355713,1907.742432 2199.323486,1908.377930
	C2196.191162,1911.379883 2194.091064,1913.746216 2190.920410,1916.151978
	C2189.162109,1916.384277 2188.474609,1916.577148 2186.883789,1916.333862
	C2184.209473,1914.138794 2182.438232,1912.379883 2179.788330,1909.421143
	C2164.153320,1898.029175 2150.070068,1886.643433 2134.511719,1877.874634
	C2092.208740,1854.031616 2047.260986,1839.242432 1997.839722,1839.587524
	C1914.268677,1840.171265 1847.060913,1900.783447 1843.522461,1988.040894
	C1840.694702,2057.774902 1864.929565,2118.287354 1908.555298,2173.075684
	C1911.472534,2178.038330 1914.095947,2181.851074 1916.275146,2187.092285
	C1914.627930,2192.264648 1913.424683,2196.008545 1911.183105,2199.362793
	C1908.350464,2197.672852 1906.556152,2196.372559 1904.761841,2195.072510
z"/>
<path fill="#2051AD" opacity="1.000000" stroke="none"
	d="
M2645.627441,2976.004883
	C2641.194824,3013.043945 2633.957031,3049.413574 2620.145996,3084.254639
	C2601.305176,3131.784424 2572.421875,3171.500000 2529.565186,3200.178711
	C2494.423828,3223.694336 2455.498047,3232.830078 2413.748291,3227.303955
	C2385.645020,3223.583984 2360.102783,3212.279053 2337.549072,3194.896240
	C2299.733643,3165.751221 2273.433594,3128.056885 2255.732178,3084.008545
	C2242.750000,3051.703857 2236.061523,3017.931885 2231.957520,2980.734863
	C2232.342285,2977.135986 2232.602051,2976.362549 2234.355957,2975.720215
	C2238.865723,2975.817627 2241.880859,2975.783936 2245.622070,2975.896484
	C2246.347656,2976.042725 2247.807617,2976.288574 2247.705078,2977.887451
	C2248.066895,2983.718750 2248.531250,2987.950928 2248.851562,2993.756104
	C2251.883057,3017.787842 2256.408691,3039.942627 2263.832031,3061.424805
	C2277.955811,3102.297607 2298.096680,3139.644043 2330.299072,3169.191650
	C2373.839355,3209.142334 2424.538086,3223.121094 2481.947266,3206.848633
	C2515.010254,3197.476562 2541.413330,3177.061035 2563.041504,3150.872559
	C2601.065186,3104.832031 2621.294922,3051.347412 2627.669922,2990.615723
	C2628.264893,2983.586182 2628.414307,2978.140869 2629.302002,2972.369629
	C2630.040283,2972.043213 2631.557373,2971.491943 2632.392578,2972.568359
	C2636.659668,2974.431396 2640.091553,2975.218018 2644.049805,2975.967285
	C2644.575684,2975.929932 2645.627441,2976.004883 2645.627441,2976.004883
z"/>
<path fill="#2051AD" opacity="1.000000" stroke="none"
	d="
M2676.476807,1900.290771
	C2686.395508,1898.973389 2692.597412,1891.376221 2700.032227,1886.030518
	C2736.667969,1859.689087 2776.431152,1840.316040 2820.625000,1830.346680
	C2864.717041,1820.400391 2908.083740,1822.233398 2949.698242,1840.350952
	C3000.071045,1862.281616 3031.717041,1900.861938 3043.806885,1954.380493
	C3054.883057,2003.413452 3046.631836,2050.935791 3028.843506,2097.156494
	C3015.814697,2131.010986 2997.275391,2161.624023 2973.629395,2189.145020
	C2972.794434,2190.116943 2972.403076,2191.470459 2970.459473,2194.511230
	C2967.239258,2197.292969 2965.364746,2198.209473 2963.455078,2197.733154
	C2962.159180,2192.806152 2960.898438,2189.271729 2959.876953,2184.595215
	C2962.473877,2179.559814 2964.831299,2175.666504 2967.901855,2170.598145
	C2972.149170,2165.494385 2976.135986,2161.882324 2979.144775,2157.585449
	C2998.358643,2130.145508 3013.088135,2100.441650 3022.727539,2068.340088
	C3031.599854,2038.792358 3036.283936,2008.653687 3032.613770,1977.762329
	C3025.385010,1916.920654 2993.725830,1874.386841 2936.636475,1851.377808
	C2907.535156,1839.648682 2877.016113,1837.493286 2846.351562,1841.106689
	C2790.632080,1847.672119 2742.269775,1871.530518 2698.104492,1907.363037
	C2693.967529,1910.520142 2690.971191,1913.222534 2686.967773,1915.967529
	C2685.289795,1916.037109 2684.618408,1916.063965 2683.760010,1914.755127
	C2682.698486,1908.936646 2679.106934,1908.278198 2675.614258,1906.435181
	C2675.990967,1903.564209 2676.233887,1901.927490 2676.476807,1900.290771
z"/>
<path fill="#2051AD" opacity="1.000000" stroke="none"
	d="
M2971.823730,2676.271729
	C2991.106445,2701.812744 3009.111328,2728.097656 3022.437988,2757.411133
	C3040.648438,2797.466797 3050.818115,2839.016602 3047.922852,2883.291260
	C3044.055664,2942.419189 3018.574951,2989.175049 2967.822998,3020.709961
	C2943.692383,3035.703369 2916.912109,3042.940674 2888.325928,3044.336914
	C2816.349365,3047.853027 2753.858887,3023.196777 2696.893066,2981.378906
	C2691.040771,2977.082764 2684.982178,2973.068115 2677.395020,2967.126953
	C2674.604980,2963.481934 2673.438965,2961.632568 2673.769043,2959.639648
	C2679.003418,2958.074951 2682.741211,2956.653809 2687.570312,2955.563477
	C2692.400391,2958.659424 2696.139404,2961.424316 2700.470459,2965.416992
	C2715.085938,2975.566406 2728.807373,2985.011719 2743.188232,2993.315430
	C2790.549561,3020.662842 2841.397949,3033.425537 2896.267578,3028.854492
	C2917.878174,3027.054199 2938.136475,3020.900146 2956.727783,3009.976562
	C3003.355957,2982.579346 3027.563965,2940.944824 3032.007568,2887.668457
	C3037.987305,2815.972168 3011.602051,2754.899902 2968.375000,2698.234131
	C2963.744873,2692.781494 2959.551270,2688.548584 2955.629639,2683.235596
	C2955.941650,2681.414062 2955.981689,2680.672852 2957.365234,2679.738037
	C2963.207764,2678.608887 2963.780518,2674.915283 2965.481201,2671.823730
	C2968.257324,2673.644531 2970.040527,2674.958008 2971.823730,2676.271729
z"/>
<path fill="#2051AD" opacity="1.000000" stroke="none"
	d="
M1896.010620,2641.772705
	C1870.346436,2638.282471 1844.688843,2634.874512 1819.633301,2627.901855
	C1775.211792,2615.540527 1735.601685,2594.141602 1702.285156,2562.487305
	C1671.104858,2532.862549 1650.041870,2496.737793 1645.064087,2453.334961
	C1639.460938,2404.479248 1654.173706,2361.232666 1686.156250,2324.135254
	C1723.979126,2280.263916 1772.837769,2254.353760 1828.181274,2240.224854
	C1849.352905,2234.820068 1871.183594,2231.997559 1894.359375,2228.270508
	C1896.004639,2228.542969 1895.948975,2229.633545 1896.003906,2230.957031
	C1896.117310,2235.836182 1896.175781,2239.392090 1894.789551,2243.409180
	C1890.329834,2244.155029 1887.315063,2244.439453 1882.852539,2244.437988
	C1876.803345,2245.247070 1872.201782,2246.341797 1865.995361,2247.598145
	C1817.696777,2255.190918 1774.689819,2271.810791 1735.944214,2299.140869
	C1717.862915,2311.895020 1701.607544,2326.559326 1688.930298,2344.785645
	C1654.394531,2394.438721 1649.763184,2446.722900 1676.305054,2501.246826
	C1688.425049,2526.144043 1706.110596,2546.820068 1727.508301,2564.270752
	C1765.027344,2594.869141 1808.416992,2612.128906 1856.653809,2620.921875
	C1859.686646,2621.833008 1861.850708,2622.025635 1865.631348,2622.664307
	C1872.814575,2623.387939 1878.381226,2623.665039 1884.607910,2624.374512
	C1885.267822,2624.806885 1886.845337,2624.776367 1887.573730,2625.392578
	C1888.302124,2626.008789 1890.147705,2626.461670 1890.147705,2626.461670
	C1890.147705,2626.461670 1891.940674,2625.832764 1892.944458,2626.267090
	C1894.579834,2627.065918 1895.211304,2627.430664 1895.870361,2629.290039
	C1895.949097,2633.770996 1896.000244,2636.757080 1896.063232,2640.251221
	C1896.075073,2640.759033 1896.010620,2641.772705 1896.010620,2641.772705
z"/>
<path fill="#2051AD" opacity="1.000000" stroke="none"
	d="
M2199.291504,2967.411133
	C2196.438721,2968.908447 2193.225830,2969.966797 2190.787598,2971.968506
	C2152.754883,3003.194580 2110.576416,3026.648682 2062.491943,3037.926025
	C2019.044800,3048.115723 1975.307129,3049.341553 1933.072510,3032.489014
	C1879.287231,3011.027588 1845.293335,2971.476318 1832.309570,2914.961670
	C1823.321289,2875.838135 1828.077271,2837.039795 1838.647949,2798.784180
	C1848.868408,2761.796143 1866.562500,2728.519287 1888.978149,2697.562988
	C1893.624756,2691.145996 1897.562622,2684.215820 1903.951416,2676.390625
	C1907.912842,2673.950195 1909.750244,2672.640625 1911.829224,2672.638672
	C1912.726929,2678.181641 1915.619507,2679.615479 1919.670898,2680.833496
	C1919.790161,2682.476562 1919.705933,2683.139160 1918.482056,2684.364746
	C1914.053101,2689.849365 1910.763916,2694.770996 1906.375854,2700.460938
	C1879.731934,2735.040771 1860.857666,2772.093262 1850.293091,2813.288330
	C1842.423950,2843.972900 1839.187622,2875.017578 1845.804810,2906.143799
	C1862.831665,2986.235107 1926.489258,3033.998779 2014.130859,3030.479248
	C2038.097534,3029.516602 2061.539795,3024.094238 2084.151123,3015.734131
	C2119.314453,3002.732422 2152.172607,2985.710205 2181.351562,2960.139648
	C2184.965576,2958.387207 2187.489990,2956.906494 2191.359863,2955.851074
	C2196.218506,2957.388184 2199.732178,2958.500488 2203.097412,2960.717041
	C2201.729736,2963.684570 2200.510742,2965.548096 2199.291504,2967.411133
z"/>
<path fill="#2051AD" opacity="1.000000" stroke="none"
	d="
M2231.137207,1892.000244
	C2235.930176,1841.817017 2248.595215,1793.954956 2273.328125,1749.696899
	C2292.834717,1714.791016 2318.550049,1685.466797 2353.260498,1665.160889
	C2409.803467,1632.083252 2466.838623,1631.810425 2523.326904,1665.466431
	C2556.652344,1685.322144 2581.805176,1713.412842 2601.124756,1746.754883
	C2622.034424,1782.841064 2635.285645,1821.599854 2640.382568,1863.086304
	C2641.434814,1871.650513 2643.005615,1880.150879 2644.130371,1890.370361
	C2643.923584,1892.059937 2642.889648,1891.977783 2641.599854,1892.008179
	C2636.857666,1892.122925 2633.405029,1892.207153 2629.366699,1890.716064
	C2628.171143,1884.708984 2627.561768,1880.277344 2627.104980,1874.259644
	C2626.106934,1865.463989 2625.129395,1858.222046 2623.778076,1851.050537
	C2617.074463,1815.484131 2605.367188,1781.762085 2586.015869,1750.988647
	C2568.136475,1722.555298 2546.408447,1697.682251 2517.912354,1679.322021
	C2494.463379,1664.213989 2468.912354,1655.862915 2440.839844,1656.065674
	C2391.320557,1656.423218 2350.535889,1676.300171 2318.298340,1713.123047
	C2277.195312,1760.071899 2254.890625,1815.345093 2248.601074,1878.453125
	C2247.976074,1883.549194 2247.745361,1887.541138 2246.770996,1891.744141
	C2246.027100,1891.955322 2244.513916,1892.273315 2243.094238,1892.181641
	C2238.837891,1892.094238 2236.001221,1892.098511 2232.658203,1892.073486
	C2232.151367,1892.044067 2231.137207,1892.000244 2231.137207,1892.000244
z"/>
<path fill="#2051AD" opacity="1.000000" stroke="none"
	d="
M2980.029297,2227.645264
	C3012.951172,2232.177246 3045.741211,2237.128418 3077.123535,2248.897705
	C3118.874756,2264.555664 3156.068604,2286.975586 3186.235352,2320.275635
	C3219.137695,2356.595215 3235.430420,2399.062988 3231.376709,2448.091064
	C3227.968750,2489.309082 3210.557617,2525.012451 3182.030518,2554.612549
	C3147.086914,2590.870850 3104.174072,2614.242432 3055.883057,2627.871338
	C3032.181641,2634.561035 3008.100342,2639.366943 2981.691895,2640.989258
	C2979.906494,2640.867432 2979.922607,2639.781738 2979.968750,2638.365723
	C2979.933350,2634.114746 2979.852051,2631.280029 2981.104980,2628.141602
	C2985.838623,2626.833740 2989.237793,2625.829590 2993.546875,2624.735596
	C2994.456543,2624.645996 2996.066895,2623.781006 2997.682129,2623.947754
	C3003.566162,2623.529785 3007.835205,2622.945312 3013.083984,2622.543457
	C3015.498535,2622.591797 3016.604004,2621.916992 3018.940186,2620.726562
	C3033.410400,2617.685303 3046.593262,2615.465332 3059.181641,2611.402588
	C3105.573975,2596.430664 3146.269287,2572.196533 3178.961914,2535.472412
	C3225.572754,2483.113037 3227.009033,2409.275879 3195.361084,2357.377930
	C3189.172607,2347.229492 3182.095947,2337.269043 3173.804688,2328.815674
	C3127.387207,2281.493164 3070.666016,2255.043945 3003.644043,2246.523193
	C2994.785156,2244.702148 2987.278809,2243.742188 2979.797363,2241.472168
	C2979.856445,2236.701172 2979.890625,2233.240479 2979.965332,2229.246582
	C2980.006104,2228.713867 2980.029297,2227.645264 2980.029297,2227.645264
z"/>
<path fill="#7897D1" opacity="1.000000" stroke="none"
	d="
M2200.760986,2967.714355
	C2200.510742,2965.548096 2201.729736,2963.684570 2203.898682,2959.560059
	C2211.253418,2950.729248 2218.437256,2945.674072 2229.018555,2944.652344
	C2233.006104,2954.904785 2230.633057,2965.612549 2232.861572,2975.589355
	C2232.602051,2976.362549 2232.342285,2977.135986 2231.686523,2979.068604
	C2221.603516,2976.157471 2211.916992,2972.087158 2200.760986,2967.714355
z"/>
<path fill="#6E8BC2" opacity="1.000000" stroke="none"
	d="
M2963.490234,2199.125977
	C2965.364746,2198.209473 2967.239258,2197.292969 2970.016602,2195.815918
	C2973.793457,2205.067871 2976.667969,2214.880371 2979.785645,2226.168945
	C2980.029297,2227.645264 2980.006104,2228.713867 2978.230957,2228.880615
	C2971.170166,2228.703613 2965.879150,2228.425781 2960.600586,2227.996826
	C2955.599854,2227.590332 2950.246582,2228.566895 2945.176270,2225.349365
	C2950.059814,2214.847656 2954.748779,2205.600586 2963.490234,2199.125977
z"/>
<path fill="#7897D1" opacity="1.000000" stroke="none"
	d="
M2972.045410,2674.766846
	C2970.040527,2674.958008 2968.257324,2673.644531 2964.825928,2670.685059
	C2957.337402,2661.473145 2951.086182,2654.179932 2945.798340,2644.875488
	C2958.155273,2643.031006 2969.038818,2641.406250 2979.922607,2639.781738
	C2979.922607,2639.781738 2979.906494,2640.867432 2979.959961,2641.411133
	C2980.988281,2653.270996 2974.855713,2662.827881 2972.045410,2674.766846
z"/>
<path fill="#7897D1" opacity="1.000000" stroke="none"
	d="
M2674.933594,1900.198975
	C2676.233887,1901.927490 2675.990967,1903.564209 2674.462646,1907.068726
	C2665.437988,1914.682983 2658.282471,1921.313965 2647.984131,1926.689087
	C2646.124756,1914.020142 2644.507080,1902.999023 2642.889648,1891.977783
	C2642.889648,1891.977783 2643.923584,1892.059937 2644.443604,1892.057373
	C2650.027100,1893.403320 2655.107178,1894.694214 2660.149414,1896.117798
	C2664.584961,1897.370361 2668.978271,1898.771729 2674.933594,1900.198975
z"/>
<path fill="#7897D1" opacity="1.000000" stroke="none"
	d="
M1911.587646,2671.331055
	C1909.750244,2672.640625 1907.912842,2673.950195 1904.970947,2675.502441
	C1904.642334,2668.525146 1903.272461,2661.809814 1899.846680,2655.336670
	C1898.084717,2652.007324 1897.265137,2648.179443 1896.015137,2643.174805
	C1896.010620,2641.772705 1896.075073,2640.759033 1897.641724,2640.480957
	C1907.628174,2641.554932 1916.072144,2642.778320 1924.451050,2644.348877
	C1926.606445,2644.752686 1928.556885,2646.249512 1930.439331,2647.165283
	C1923.629883,2655.894531 1917.608887,2663.612793 1911.587646,2671.331055
z"/>
<path fill="#6E8BC2" opacity="1.000000" stroke="none"
	d="
M2200.355713,1907.742432
	C2200.355713,1907.742432 2200.140137,1905.937866 2199.973389,1905.045044
	C2209.348145,1900.240479 2218.889893,1896.328613 2229.784180,1892.208496
	C2231.137207,1892.000244 2232.151367,1892.044067 2232.365723,1893.808838
	C2232.274170,1900.895874 2232.273926,1906.258667 2231.574219,1911.528564
	C2230.912842,1916.508301 2233.246094,1922.304688 2227.188477,1927.197510
	C2218.334473,1920.777954 2209.345215,1914.260132 2200.355713,1907.742432
z"/>
<path fill="#7897D1" opacity="1.000000" stroke="none"
	d="
M1904.516602,2196.660400
	C1906.556152,2196.372559 1908.350464,2197.672852 1911.769287,2200.566895
	C1918.660156,2210.022217 1927.409790,2215.664795 1930.136475,2226.754395
	C1917.799805,2227.793457 1906.874390,2228.713379 1895.948975,2229.633545
	C1895.948975,2229.633545 1896.004639,2228.542969 1896.017212,2227.996094
	C1898.776978,2217.715820 1901.524170,2207.981934 1904.516602,2196.660400
z"/>
<path fill="#7897D1" opacity="1.000000" stroke="none"
	d="
M2672.272949,2959.783447
	C2673.438965,2961.632568 2674.604980,2963.481934 2676.343994,2966.274902
	C2672.240967,2968.970215 2667.629883,2970.929443 2662.870850,2972.413330
	C2658.162354,2973.881836 2653.304932,2974.871094 2647.070068,2976.037598
	C2645.627441,2976.004883 2644.575684,2975.929932 2644.308594,2974.387695
	C2645.036621,2967.772705 2646.046875,2962.702881 2647.022461,2957.626221
	C2647.939941,2952.852783 2648.820068,2948.072021 2649.853271,2942.567139
	C2658.145264,2948.934814 2665.209229,2954.359131 2672.272949,2959.783447
z"/>
<path fill="#DDE6FA" opacity="1.000000" stroke="none"
	d="
M1908.261475,2171.925293
	C1864.929565,2118.287354 1840.694702,2057.774902 1843.522461,1988.040894
	C1847.060913,1900.783447 1914.268677,1840.171265 1997.839722,1839.587524
	C2047.260986,1839.242432 2092.208740,1854.031616 2134.511719,1877.874634
	C2150.070068,1886.643433 2164.153320,1898.029175 2177.975098,1909.738159
	C2168.311035,1915.671875 2159.707520,1920.361938 2150.826416,1924.449463
	C2131.614746,1933.291382 2115.228760,1946.624512 2097.365723,1957.601440
	C2093.711914,1959.846802 2092.187012,1963.383789 2090.768555,1967.623047
	C2087.709229,1967.481567 2085.965576,1967.307739 2083.200195,1966.144531
	C2041.137207,1951.303467 1999.251465,1940.942383 1956.361816,1934.739014
	C1953.088257,1934.265625 1949.795532,1933.553711 1946.515625,1933.574219
	C1940.621216,1933.610962 1936.798706,1937.762817 1936.740234,1943.885132
	C1936.714966,1946.531128 1936.885498,1949.228271 1937.382568,1951.822510
	C1941.760254,1974.669312 1945.548950,1997.658447 1950.868042,2020.286865
	C1956.184937,2042.906372 1963.060303,2065.159668 1967.927246,2088.119141
	C1960.445679,2096.397705 1953.480835,2103.628418 1948.301147,2111.968018
	C1937.461792,2129.419922 1927.469482,2147.403564 1917.353149,2165.295654
	C1915.208496,2169.088623 1912.703613,2171.642578 1908.261475,2171.925293
z"/>
<path fill="#AEB9CD" opacity="1.000000" stroke="none"
	d="
M2187.786865,1916.769897
	C2188.474609,1916.577148 2189.162109,1916.384277 2191.519775,1917.222656
	C2197.172607,1922.370117 2201.155518,1926.486450 2204.387207,1931.922363
	C2198.826904,1936.652222 2194.224609,1940.413208 2189.169434,1943.409424
	C2172.622070,1953.217285 2155.927734,1962.778198 2139.248535,1972.361938
	C2134.889404,1974.866455 2132.160889,1978.288086 2130.597168,1983.314209
	C2122.069092,1980.010132 2114.881348,1976.835083 2108.160645,1972.284424
	C2110.956543,1968.690063 2113.061279,1966.159302 2115.649902,1964.302612
	C2135.247803,1950.244629 2156.052490,1938.189819 2177.532471,1927.253174
	C2182.036621,1924.959839 2187.666260,1923.476807 2187.786865,1916.769897
z"/>
<path fill="#0E3580" opacity="1.000000" stroke="none"
	d="
M1896.003906,2230.957031
	C1906.874390,2228.713379 1917.799805,2227.793457 1930.136475,2226.754395
	C1927.409790,2215.664795 1918.660156,2210.022217 1912.807617,2200.956543
	C1913.424683,2196.008545 1914.627930,2192.264648 1917.226929,2187.774414
	C1920.448975,2188.416260 1922.275146,2189.805176 1924.543701,2192.498047
	C1928.334229,2196.907715 1931.682251,2200.013184 1935.251099,2204.155762
	C1938.087524,2207.634521 1940.703003,2210.075928 1943.908691,2213.605469
	C1948.241943,2217.826172 1951.985229,2220.958984 1956.361572,2225.325195
	C1961.871826,2236.926514 1961.871826,2236.926514 1950.281860,2243.698975
	C1940.609009,2243.382568 1932.637329,2243.267822 1924.651245,2242.884033
	C1924.636841,2242.614990 1924.271851,2242.218506 1923.361084,2241.541016
	C1918.883057,2241.342041 1915.315796,2241.820312 1910.273438,2242.464355
	C1905.885986,2243.109131 1902.973755,2243.587891 1899.100586,2243.801025
	C1898.139771,2243.535400 1896.234253,2242.947754 1896.234253,2242.947754
	C1896.175781,2239.392090 1896.117310,2235.836182 1896.003906,2230.957031
z"/>
<path fill="#C6D2E7" opacity="1.000000" stroke="none"
	d="
M1924.101318,2191.193848
	C1922.275146,2189.805176 1920.448975,2188.416260 1917.671021,2186.345703
	C1914.095947,2181.851074 1911.472534,2178.038330 1908.555298,2173.075684
	C1912.703613,2171.642578 1915.208496,2169.088623 1917.353149,2165.295654
	C1927.469482,2147.403564 1937.461792,2129.419922 1948.301147,2111.968018
	C1953.480835,2103.628418 1960.445679,2096.397705 1968.640747,2088.180664
	C1970.679565,2087.696533 1972.073120,2088.033203 1972.169434,2089.489746
	C1973.842163,2096.574951 1975.418701,2102.203857 1975.527832,2107.963867
	C1966.813477,2109.551270 1963.102905,2114.865967 1959.635620,2120.768066
	C1952.248535,2133.343018 1943.879883,2145.391113 1937.215576,2158.325928
	C1931.837036,2168.765137 1923.771729,2178.390137 1924.101318,2191.193848
z"/>
<path fill="#C6D2E7" opacity="1.000000" stroke="none"
	d="
M2186.883789,1916.333862
	C2187.666260,1923.476807 2182.036621,1924.959839 2177.532471,1927.253174
	C2156.052490,1938.189819 2135.247803,1950.244629 2115.649902,1964.302612
	C2113.061279,1966.159302 2110.956543,1968.690063 2106.770508,1971.976196
	C2102.114258,1972.566162 2099.315674,1972.088745 2095.952393,1970.887207
	C2094.347900,1969.311768 2093.188477,1969.092651 2091.834473,1969.015991
	C2091.759521,1968.526489 2092.084229,1967.590698 2092.084229,1967.590698
	C2092.187012,1963.383789 2093.711914,1959.846802 2097.365723,1957.601440
	C2115.228760,1946.624512 2131.614746,1933.291382 2150.826416,1924.449463
	C2159.707520,1920.361938 2168.311035,1915.671875 2178.854004,1910.937988
	C2182.438232,1912.379883 2184.209473,1914.138794 2186.883789,1916.333862
z"/>
<path fill="#0E3580" opacity="1.000000" stroke="none"
	d="
M2205.138184,1930.602905
	C2201.155518,1926.486450 2197.172607,1922.370117 2192.590332,1917.183105
	C2194.091064,1913.746216 2196.191162,1911.379883 2199.323486,1908.377930
	C2209.345215,1914.260132 2218.334473,1920.777954 2227.188477,1927.197510
	C2233.246094,1922.304688 2230.912842,1916.508301 2231.574219,1911.528564
	C2232.273926,1906.258667 2232.274170,1900.895874 2232.872314,1893.838257
	C2236.001221,1892.098511 2238.837891,1892.094238 2243.187500,1893.452271
	C2245.098633,1896.457031 2245.496094,1898.099731 2245.492676,1901.217163
	C2245.240234,1905.714233 2245.388916,1908.736572 2245.100342,1913.376221
	C2244.797607,1920.564331 2244.932373,1926.134888 2244.730957,1933.348145
	C2244.821045,1940.521484 2245.247559,1946.052124 2244.916504,1952.698608
	C2241.363770,1957.764160 2237.504639,1959.635010 2232.140625,1958.719971
	C2229.472168,1955.770630 2227.371094,1953.776978 2224.739502,1950.526489
	C2217.851807,1943.047363 2211.495117,1936.825195 2205.138184,1930.602905
z"/>
<path fill="#DDE6FA" opacity="1.000000" stroke="none"
	d="
M2627.224365,2992.199951
	C2621.294922,3051.347412 2601.065186,3104.832031 2563.041504,3150.872559
	C2541.413330,3177.061035 2515.010254,3197.476562 2481.947266,3206.848633
	C2424.538086,3223.121094 2373.839355,3209.142334 2330.299072,3169.191650
	C2298.096680,3139.644043 2277.955811,3102.297607 2263.832031,3061.424805
	C2256.408691,3039.942627 2251.883057,3017.787842 2250.383545,2993.768066
	C2266.124756,2995.759521 2280.080322,2999.854248 2294.282471,3002.732666
	C2313.604248,3006.648682 2332.494873,3013.757568 2353.597900,3012.186768
	C2355.271484,3013.764893 2356.096191,3014.812500 2357.085449,3017.236328
	C2375.977295,3056.793945 2397.973877,3092.980469 2423.490234,3127.009521
	C2426.264160,3130.708984 2429.117432,3134.402832 2432.349609,3137.690430
	C2436.034912,3141.438721 2440.889160,3141.334229 2444.610840,3137.379639
	C2448.227783,3133.535645 2451.709717,3129.456299 2454.596680,3125.051270
	C2469.482910,3102.335938 2484.653809,3079.782227 2498.714111,3056.559814
	C2506.550781,3043.616943 2512.417236,3029.481689 2519.856689,3015.156250
	C2521.152832,3013.182617 2522.082031,3012.254639 2525.101807,3011.751465
	C2532.161377,3011.734619 2537.640869,3012.468018 2542.701416,3011.332764
	C2560.032715,3007.445557 2577.204102,3002.849121 2594.461914,2998.629150
	C2605.279541,2995.983398 2615.695801,2991.237305 2627.224365,2992.199951
z"/>
<path fill="#A8B4C8" opacity="1.000000" stroke="none"
	d="
M2247.807617,2976.288574
	C2247.807617,2976.288574 2246.347656,2976.042725 2245.661621,2974.183594
	C2245.126953,2964.342285 2245.278564,2956.360352 2246.886963,2948.346680
	C2259.058105,2951.612549 2269.677246,2955.272217 2280.508545,2958.126953
	C2298.972168,2962.993408 2317.568604,2967.354492 2336.924805,2972.787598
	C2338.890381,2975.718994 2340.040771,2977.790771 2341.320557,2981.183105
	C2342.817627,2986.696777 2344.185059,2990.890137 2343.889160,2995.213379
	C2333.218018,2993.458984 2324.100586,2991.981934 2315.224365,2989.605713
	C2296.768311,2984.664307 2278.389893,2979.413086 2260.092773,2973.912598
	C2255.240967,2972.454102 2251.150635,2971.524902 2247.807617,2976.288574
z"/>
<path fill="#A8B4C8" opacity="1.000000" stroke="none"
	d="
M2631.557373,2971.491943
	C2631.557373,2971.491943 2630.040283,2972.043213 2628.397461,2971.288086
	C2619.760986,2967.264648 2614.040039,2971.977051 2608.241943,2974.092773
	C2583.542725,2983.106201 2558.047607,2988.437500 2532.089355,2990.724365
	C2532.262695,2987.673828 2532.457520,2985.936768 2533.586182,2983.312500
	C2536.749268,2977.701904 2538.979004,2972.978516 2542.758789,2968.181641
	C2551.382568,2966.682861 2558.620850,2965.801758 2565.495850,2963.720703
	C2580.588135,2959.153320 2596.669189,2957.954346 2610.929688,2950.635986
	C2617.209717,2947.413086 2623.756348,2948.095459 2630.669678,2950.052979
	C2631.180664,2958.280273 2631.369141,2964.885986 2631.557373,2971.491943
z"/>
<path fill="#BFCBDF" opacity="1.000000" stroke="none"
	d="
M2532.110596,2992.037842
	C2558.047607,2988.437500 2583.542725,2983.106201 2608.241943,2974.092773
	C2614.040039,2971.977051 2619.760986,2967.264648 2627.659180,2971.614502
	C2628.414307,2978.140869 2628.264893,2983.586182 2627.669922,2990.615723
	C2615.695801,2991.237305 2605.279541,2995.983398 2594.461914,2998.629150
	C2577.204102,3002.849121 2560.032715,3007.445557 2542.701416,3011.332764
	C2537.640869,3012.468018 2532.161377,3011.734619 2525.184814,3010.390381
	C2526.367432,3003.294922 2529.239014,2997.666260 2532.110596,2992.037842
z"/>
<path fill="#C6D2E7" opacity="1.000000" stroke="none"
	d="
M2247.705078,2977.887451
	C2251.150635,2971.524902 2255.240967,2972.454102 2260.092773,2973.912598
	C2278.389893,2979.413086 2296.768311,2984.664307 2315.224365,2989.605713
	C2324.100586,2991.981934 2333.218018,2993.458984 2344.684326,2996.243896
	C2349.011475,3001.981689 2350.880127,3006.818848 2352.749023,3011.656006
	C2332.494873,3013.757568 2313.604248,3006.648682 2294.282471,3002.732666
	C2280.080322,2999.854248 2266.124756,2995.759521 2250.527344,2992.195312
	C2248.531250,2987.950928 2248.066895,2983.718750 2247.705078,2977.887451
z"/>
<path fill="#0E3580" opacity="1.000000" stroke="none"
	d="
M2632.392578,2972.568359
	C2631.369141,2964.885986 2631.180664,2958.280273 2631.114258,2948.385010
	C2630.946777,2938.266846 2630.656982,2931.438232 2630.797363,2923.128906
	C2634.672119,2911.010010 2635.136475,2910.747803 2644.493408,2914.375000
	C2645.725830,2914.852295 2646.898438,2915.483154 2648.608887,2917.135742
	C2653.127441,2921.732910 2657.136230,2925.237061 2661.862305,2929.990479
	C2668.420166,2939.432617 2673.047363,2948.937256 2684.814941,2952.291504
	C2685.728271,2953.931641 2686.103760,2954.582031 2686.479248,2955.232666
	C2682.741211,2956.653809 2679.003418,2958.074951 2673.769043,2959.639648
	C2665.209229,2954.359131 2658.145264,2948.934814 2649.853271,2942.567139
	C2648.820068,2948.072021 2647.939941,2952.852783 2647.022461,2957.626221
	C2646.046875,2962.702881 2645.036621,2967.772705 2643.782715,2974.425293
	C2640.091553,2975.218018 2636.659668,2974.431396 2632.392578,2972.568359
z"/>
<path fill="#0E3580" opacity="1.000000" stroke="none"
	d="
M2245.430664,2948.378174
	C2245.278564,2956.360352 2245.126953,2964.342285 2244.935791,2974.037598
	C2241.880859,2975.783936 2238.865723,2975.817627 2234.355957,2975.720215
	C2230.633057,2965.612549 2233.006104,2954.904785 2229.018555,2944.652344
	C2218.437256,2945.674072 2211.253418,2950.729248 2204.047119,2958.455811
	C2199.732178,2958.500488 2196.218506,2957.388184 2192.144287,2954.826172
	C2194.363037,2950.198975 2197.142334,2947.021484 2201.121094,2943.432617
	C2207.009521,2938.175049 2211.698486,2933.328857 2217.535156,2927.935547
	C2221.712402,2923.440674 2224.741943,2919.492920 2229.178223,2915.166992
	C2241.573486,2911.277832 2241.578857,2911.276123 2244.528320,2920.851562
	C2244.916260,2922.111328 2245.217285,2923.397949 2245.279297,2926.347656
	C2245.143311,2934.808105 2245.286865,2941.593018 2245.430664,2948.378174
z"/>
<path fill="#DDE6FA" opacity="1.000000" stroke="none"
	d="
M2699.244873,1906.908203
	C2742.269775,1871.530518 2790.632080,1847.672119 2846.351562,1841.106689
	C2877.016113,1837.493286 2907.535156,1839.648682 2936.636475,1851.377808
	C2993.725830,1874.386841 3025.385010,1916.920654 3032.613770,1977.762329
	C3036.283936,2008.653687 3031.599854,2038.792358 3022.727539,2068.340088
	C3013.088135,2100.441650 2998.358643,2130.145508 2979.144775,2157.585449
	C2976.135986,2161.882324 2972.149170,2165.494385 2966.532471,2170.450195
	C2961.992920,2169.483887 2958.549561,2167.993408 2957.236816,2165.416748
	C2948.026611,2147.340088 2938.603027,2129.390137 2926.877441,2112.800537
	C2920.441895,2103.695801 2913.331543,2095.067383 2906.815430,2084.785889
	C2920.663330,2041.663086 2931.442871,1999.300903 2938.060791,1955.933594
	C2938.757324,1951.370361 2939.346436,1946.734985 2939.334473,1942.134766
	C2939.321533,1937.214233 2935.248291,1933.616577 2930.178467,1933.611816
	C2927.557861,1933.609497 2924.908447,1934.032959 2922.320068,1934.518677
	C2902.120850,1938.308472 2881.782959,1941.514282 2861.781250,1946.161865
	C2838.572754,1951.554565 2815.662354,1958.229980 2791.200195,1964.065552
	C2774.986084,1954.365479 2760.278076,1944.812744 2745.365967,1935.590210
	C2738.213379,1931.166504 2730.492920,1927.658569 2723.357910,1923.209229
	C2715.131104,1918.078979 2707.266602,1912.367310 2699.244873,1906.908203
z"/>
<path fill="#BFCBDF" opacity="1.000000" stroke="none"
	d="
M2906.525391,2086.224365
	C2913.331543,2095.067383 2920.441895,2103.695801 2926.877441,2112.800537
	C2938.603027,2129.390137 2948.026611,2147.340088 2957.236816,2165.416748
	C2958.549561,2167.993408 2961.992920,2169.483887 2965.819336,2171.625244
	C2964.831299,2175.666504 2962.473877,2179.559814 2958.840820,2185.109863
	C2956.876709,2187.112793 2956.188721,2187.458984 2954.128174,2187.649414
	C2947.509277,2186.585938 2945.498779,2182.469482 2943.169678,2178.351074
	C2932.780762,2159.981445 2922.237549,2141.698242 2911.646729,2123.443604
	C2908.252930,2117.594482 2904.132568,2112.464844 2896.626953,2110.558350
	C2897.851807,2104.828369 2899.044189,2100.460938 2901.159912,2095.346680
	C2903.563965,2091.808105 2905.044678,2089.016113 2906.525391,2086.224365
z"/>
<path fill="#0E3580" opacity="1.000000" stroke="none"
	d="
M2641.599854,1892.008179
	C2644.507080,1902.999023 2646.124756,1914.020142 2647.984131,1926.689087
	C2658.282471,1921.313965 2665.437988,1914.682983 2674.328613,1908.302979
	C2679.106934,1908.278198 2682.698486,1908.936646 2683.125488,1915.823608
	C2679.132812,1921.530518 2675.587158,1924.833008 2670.926270,1928.831055
	C2662.575195,1936.168945 2654.900391,1942.430298 2649.542236,1952.264648
	C2637.582764,1961.292603 2635.826660,1960.984619 2631.058594,1949.797485
	C2630.321289,1948.067993 2629.673828,1946.300293 2629.161865,1943.046875
	C2629.292969,1938.559692 2629.247070,1935.575928 2629.467773,1930.931885
	C2629.588135,1923.690430 2629.441650,1918.109131 2629.566406,1910.828857
	C2629.332764,1903.495239 2628.827637,1897.860474 2628.728027,1892.290527
	C2629.133789,1892.355225 2629.952637,1892.291504 2629.952637,1892.291504
	C2633.405029,1892.207153 2636.857666,1892.122925 2641.599854,1892.008179
z"/>
<path fill="#B1BCD0" opacity="1.000000" stroke="none"
	d="
M2672.041504,1928.135498
	C2675.587158,1924.833008 2679.132812,1921.530518 2683.312988,1917.159424
	C2684.618408,1916.063965 2685.289795,1916.037109 2687.191895,1917.349854
	C2690.080322,1920.617676 2691.380127,1923.148682 2693.451904,1924.379028
	C2710.959717,1934.776489 2728.842285,1944.562500 2746.113770,1955.331543
	C2754.279541,1960.422974 2764.468262,1963.466064 2768.606934,1974.204834
	C2768.524658,1974.813110 2768.297363,1976.024048 2766.905273,1976.209229
	C2761.069336,1977.632446 2756.625488,1978.870483 2750.961670,1979.486938
	C2742.739258,1974.017822 2735.841309,1969.010254 2728.712402,1964.355957
	C2713.860840,1954.659546 2698.617676,1945.683960 2682.092773,1939.003662
	C2677.275879,1937.056396 2672.236084,1934.661743 2672.041504,1928.135498
z"/>
<path fill="#C6D2E7" opacity="1.000000" stroke="none"
	d="
M2768.689453,1973.596680
	C2764.468262,1963.466064 2754.279541,1960.422974 2746.113770,1955.331543
	C2728.842285,1944.562500 2710.959717,1934.776489 2693.451904,1924.379028
	C2691.380127,1923.148682 2690.080322,1920.617676 2688.198730,1917.307251
	C2690.971191,1913.222534 2693.967529,1910.520142 2698.104492,1907.363037
	C2707.266602,1912.367310 2715.131104,1918.078979 2723.357910,1923.209229
	C2730.492920,1927.658569 2738.213379,1931.166504 2745.365967,1935.590210
	C2760.278076,1944.812744 2774.986084,1954.365479 2790.330566,1964.974609
	C2787.250000,1968.027344 2783.616699,1969.888062 2778.497803,1971.931396
	C2775.217529,1972.942261 2773.423340,1973.770264 2770.953613,1974.172607
	C2770.278564,1973.746826 2768.689453,1973.596680 2768.689453,1973.596680
z"/>
<path fill="#0E3580" opacity="1.000000" stroke="none"
	d="
M2955.500488,2187.804932
	C2956.188721,2187.458984 2956.876709,2187.112793 2958.601318,2186.251953
	C2960.898438,2189.271729 2962.159180,2192.806152 2963.455078,2197.733398
	C2954.748779,2205.600586 2950.059814,2214.847656 2945.176270,2225.349365
	C2950.246582,2228.566895 2955.599854,2227.590332 2960.600586,2227.996826
	C2965.879150,2228.425781 2971.170166,2228.703613 2978.190186,2229.413574
	C2979.890625,2233.240479 2979.856445,2236.701172 2978.839844,2241.777344
	C2977.224854,2243.614502 2976.592529,2243.836426 2974.750000,2243.590820
	C2971.822510,2242.927002 2970.104980,2242.730225 2967.053223,2241.715088
	C2954.079590,2240.263428 2942.326660,2237.704102 2929.548828,2243.025391
	C2924.148193,2242.873779 2920.230225,2242.633301 2916.203125,2240.949707
	C2916.085449,2235.651855 2916.076904,2231.796875 2917.160156,2227.377930
	C2921.687012,2223.330811 2925.121826,2219.847656 2929.627441,2215.770508
	C2933.881104,2211.505615 2937.064697,2207.835449 2941.352051,2203.546143
	C2946.804443,2197.886475 2951.152588,2192.845703 2955.500488,2187.804932
z"/>
<path fill="#DDE6FA" opacity="1.000000" stroke="none"
	d="
M2968.811768,2699.453857
	C3011.602051,2754.899902 3037.987305,2815.972168 3032.007568,2887.668457
	C3027.563965,2940.944824 3003.355957,2982.579346 2956.727783,3009.976562
	C2938.136475,3020.900146 2917.878174,3027.054199 2896.267578,3028.854492
	C2841.397949,3033.425537 2790.549561,3020.662842 2743.188232,2993.315430
	C2728.807373,2985.011719 2715.085938,2975.566406 2701.094238,2964.179688
	C2705.701904,2958.007568 2709.915283,2953.688965 2714.925537,2950.712402
	C2727.463135,2943.263428 2740.859375,2937.171387 2752.971191,2929.120850
	C2764.335938,2921.566406 2777.580322,2915.819336 2785.910645,2902.983398
	C2789.376221,2903.748047 2791.368408,2904.071533 2793.250244,2904.716309
	C2831.733643,2917.897705 2871.105225,2927.547607 2911.216064,2934.172119
	C2917.727783,2935.247559 2924.409668,2935.713623 2931.009521,2935.684814
	C2935.442139,2935.665527 2938.279541,2932.279053 2938.996338,2928.061035
	C2939.539795,2924.862549 2939.410645,2921.383057 2938.792480,2918.180664
	C2934.632080,2896.630371 2930.911377,2874.963867 2925.782715,2853.639648
	C2920.190186,2830.387207 2913.229248,2807.463867 2908.178223,2783.840576
	C2919.009521,2770.144531 2928.976562,2757.300781 2937.900391,2743.769531
	C2944.708496,2733.445557 2949.766113,2721.974121 2956.463135,2711.566895
	C2959.506104,2706.838379 2964.631104,2703.450195 2968.811768,2699.453857
z"/>
<path fill="#BFCBDF" opacity="1.000000" stroke="none"
	d="
M2784.385986,2902.691650
	C2777.580322,2915.819336 2764.335938,2921.566406 2752.971191,2929.120850
	C2740.859375,2937.171387 2727.463135,2943.263428 2714.925537,2950.712402
	C2709.915283,2953.688965 2705.701904,2958.007568 2700.501953,2962.952148
	C2696.139404,2961.424316 2692.400391,2958.659424 2687.570312,2955.563477
	C2686.103760,2954.582031 2685.728271,2953.931641 2684.967285,2950.936279
	C2685.931885,2941.451172 2692.263184,2939.702148 2697.530029,2937.322021
	C2721.932373,2926.294922 2743.996094,2911.593018 2766.265625,2895.336182
	C2769.078369,2895.589111 2770.683594,2895.753418 2772.668701,2896.491211
	C2773.048340,2897.064453 2774.309326,2897.591064 2774.309326,2897.591064
	C2774.309326,2897.591064 2775.569092,2897.061768 2776.826172,2897.883301
	C2780.037109,2899.088867 2781.990479,2899.472900 2784.119141,2900.555664
	C2784.294434,2901.254150 2784.385986,2902.691650 2784.385986,2902.691650
z"/>
<path fill="#C6D2E7" opacity="1.000000" stroke="none"
	d="
M2968.375000,2698.234131
	C2964.631104,2703.450195 2959.506104,2706.838379 2956.463135,2711.566895
	C2949.766113,2721.974121 2944.708496,2733.445557 2937.900391,2743.769531
	C2928.976562,2757.300781 2919.009521,2770.144531 2907.451172,2783.789062
	C2905.410645,2784.293945 2903.986084,2783.981934 2903.879395,2782.521973
	C2902.142578,2775.438721 2900.512451,2769.815186 2900.321289,2764.025391
	C2904.223633,2761.825439 2907.291504,2760.214600 2909.053955,2757.691895
	C2923.838379,2736.530762 2937.591553,2714.741211 2948.806396,2691.413086
	C2950.139893,2688.638672 2953.133545,2686.662109 2955.357666,2684.315674
	C2959.551270,2688.548584 2963.744873,2692.781494 2968.375000,2698.234131
z"/>
<path fill="#B1BCD0" opacity="1.000000" stroke="none"
	d="
M2955.629639,2683.235596
	C2953.133545,2686.662109 2950.139893,2688.638672 2948.806396,2691.413086
	C2937.591553,2714.741211 2923.838379,2736.530762 2909.053955,2757.691895
	C2907.291504,2760.214600 2904.223633,2761.825439 2899.365234,2763.190430
	C2895.313721,2757.694580 2893.657471,2752.867432 2893.213135,2747.440430
	C2899.158203,2741.452393 2904.808838,2736.614502 2908.439697,2730.564941
	C2916.878418,2716.506348 2924.372070,2701.878662 2932.188477,2687.449219
	C2935.608398,2681.135498 2937.906494,2673.965820 2946.253418,2671.706055
	C2950.087646,2674.979980 2953.054688,2677.455566 2956.021729,2679.931396
	C2955.981689,2680.672852 2955.941650,2681.414062 2955.629639,2683.235596
z"/>
<path fill="#0E3580" opacity="1.000000" stroke="none"
	d="
M2957.365234,2679.738037
	C2953.054688,2677.455566 2950.087646,2674.979980 2945.763184,2670.524902
	C2940.111328,2664.446533 2935.816650,2660.347900 2931.069824,2655.084473
	C2926.013916,2650.408691 2921.410400,2646.897705 2916.513184,2641.885742
	C2915.914551,2630.785400 2915.914551,2630.785400 2925.857422,2627.254395
	C2931.721191,2627.446777 2936.010254,2627.284668 2941.934570,2627.455811
	C2949.112549,2627.578857 2954.655029,2627.368408 2961.752930,2627.415527
	C2967.500244,2627.495850 2971.692627,2627.319092 2976.835205,2627.530273
	C2978.447266,2628.093750 2979.108887,2628.269287 2979.770508,2628.445068
	C2979.852051,2631.280029 2979.933350,2634.114746 2979.968750,2638.365723
	C2969.038818,2641.406250 2958.155273,2643.031006 2945.798340,2644.875488
	C2951.086182,2654.179932 2957.337402,2661.473145 2963.833008,2670.177734
	C2963.780518,2674.915283 2963.207764,2678.608887 2957.365234,2679.738037
z"/>
<path fill="#DDE6FA" opacity="1.000000" stroke="none"
	d="
M1855.785034,2620.203369
	C1808.416992,2612.128906 1765.027344,2594.869141 1727.508301,2564.270752
	C1706.110596,2546.820068 1688.425049,2526.144043 1676.305054,2501.246826
	C1649.763184,2446.722900 1654.394531,2394.438721 1688.930298,2344.785645
	C1701.607544,2326.559326 1717.862915,2311.895020 1735.944214,2299.140869
	C1774.689819,2271.810791 1817.696777,2255.190918 1867.610352,2247.894531
	C1875.199463,2247.971924 1879.569092,2247.914551 1883.789795,2249.364502
	C1871.007080,2283.112549 1864.342651,2316.772217 1859.082764,2351.616211
	C1857.404785,2353.257080 1856.497070,2354.230957 1854.159424,2355.399658
	C1818.937134,2371.436279 1787.277466,2390.868896 1756.984497,2412.582031
	C1750.509033,2417.223389 1743.985718,2421.862549 1737.998413,2427.091309
	C1735.279907,2429.465576 1733.815308,2433.275635 1731.223389,2437.301758
	C1736.487793,2441.821533 1740.721924,2445.968262 1745.454346,2449.434814
	C1772.276367,2469.082031 1799.890137,2487.533936 1829.297974,2503.131104
	C1838.015503,2507.754395 1847.132080,2511.625244 1856.812988,2516.427734
	C1858.735352,2517.617188 1859.598511,2518.518555 1860.098389,2521.399414
	C1862.232666,2534.589600 1863.929321,2546.218018 1866.707642,2557.582520
	C1872.134888,2579.780518 1878.166382,2601.830811 1883.947754,2623.942383
	C1878.381226,2623.665039 1872.814575,2623.387939 1864.803833,2621.908203
	C1860.168213,2620.538330 1857.976562,2620.370850 1855.785034,2620.203369
z"/>
<path fill="#C6D2E7" opacity="1.000000" stroke="none"
	d="
M1884.607788,2624.374512
	C1878.166382,2601.830811 1872.134888,2579.780518 1866.707642,2557.582520
	C1863.929321,2546.218018 1862.232666,2534.589600 1861.463623,2521.456543
	C1868.565796,2522.628906 1874.251709,2525.424805 1879.969604,2529.829102
	C1881.159546,2535.883301 1882.642944,2540.273193 1883.420410,2544.784912
	C1887.435913,2568.088379 1892.185913,2591.175781 1900.764526,2613.339844
	C1902.387817,2617.533691 1902.724976,2622.225586 1902.361328,2626.926758
	C1899.325439,2627.375732 1897.584106,2627.585449 1895.842651,2627.794922
	C1895.211304,2627.430664 1894.579834,2627.065918 1892.205078,2625.728516
	C1889.253906,2624.254639 1888.048340,2624.261475 1886.845337,2624.776367
	C1886.845337,2624.776367 1885.267822,2624.806885 1884.607788,2624.374512
z"/>
<path fill="#C6D2E7" opacity="1.000000" stroke="none"
	d="
M1859.853149,2350.948730
	C1864.342651,2316.772217 1871.007080,2283.112549 1883.847656,2248.578125
	C1884.054199,2246.284180 1884.300171,2244.723877 1884.300171,2244.723877
	C1887.315063,2244.439453 1890.329834,2244.155029 1894.789551,2243.409180
	C1896.234253,2242.947754 1898.139771,2243.535400 1899.082397,2245.450684
	C1899.691284,2251.955078 1900.595215,2257.105713 1898.812500,2261.038086
	C1890.570557,2279.218750 1888.162720,2298.941650 1882.619995,2317.805664
	C1880.302246,2325.693115 1879.885620,2333.282227 1879.619629,2342.042480
	C1872.392700,2345.573730 1866.122925,2348.261230 1859.853149,2350.948730
z"/>
<path fill="#133B86" opacity="1.000000" stroke="none"
	d="
M1895.870361,2629.289795
	C1897.584106,2627.585449 1899.325439,2627.375732 1903.986328,2627.395020
	C1912.517944,2627.525391 1918.130249,2627.426758 1925.429688,2627.652344
	C1933.905518,2627.632812 1940.693970,2627.289062 1948.896240,2627.274658
	C1963.792358,2630.603027 1964.433716,2631.742676 1958.204834,2644.099121
	C1953.713623,2648.099365 1950.272217,2651.500000 1945.777466,2655.618652
	C1940.105957,2661.291748 1935.487549,2666.246826 1929.843140,2671.861328
	C1925.700684,2674.964844 1922.584229,2677.408936 1919.467773,2679.853027
	C1915.619507,2679.615479 1912.726929,2678.181641 1911.829346,2672.638916
	C1917.608887,2663.612793 1923.629883,2655.894531 1930.439331,2647.165283
	C1928.556885,2646.249512 1926.606445,2644.752686 1924.451050,2644.348877
	C1916.072144,2642.778320 1907.628174,2641.554932 1897.629883,2639.973145
	C1896.000244,2636.757080 1895.949097,2633.770996 1895.870361,2629.289795
z"/>
<path fill="#83A4E3" opacity="1.000000" stroke="none"
	d="
M1882.852539,2244.437988
	C1884.300171,2244.723877 1884.054199,2246.284180 1883.996460,2247.070801
	C1879.569092,2247.914551 1875.199463,2247.971924 1869.214966,2247.732910
	C1872.201782,2246.341797 1876.803345,2245.247070 1882.852539,2244.437988
z"/>
<path fill="#B3BED3" opacity="1.000000" stroke="none"
	d="
M1856.653809,2620.921875
	C1857.976562,2620.370850 1860.168213,2620.538330 1863.187256,2621.461914
	C1861.850708,2622.025635 1859.686646,2621.833008 1856.653809,2620.921875
z"/>
<path fill="#A8B4C8" opacity="1.000000" stroke="none"
	d="
M1887.573730,2625.392578
	C1888.048340,2624.261475 1889.253906,2624.254639 1891.201416,2625.294189
	C1891.940674,2625.832764 1890.147705,2626.461670 1890.147705,2626.461670
	C1890.147705,2626.461670 1888.302124,2626.008789 1887.573730,2625.392578
z"/>
<path fill="#DDE6FA" opacity="1.000000" stroke="none"
	d="
M2180.261963,2960.411621
	C2152.172607,2985.710205 2119.314453,3002.732422 2084.151123,3015.734131
	C2061.539795,3024.094238 2038.097534,3029.516602 2014.130859,3030.479248
	C1926.489258,3033.998779 1862.831665,2986.235107 1845.804810,2906.143799
	C1839.187622,2875.017578 1842.423950,2843.972900 1850.293091,2813.288330
	C1860.857666,2772.093262 1879.731934,2735.040771 1907.834106,2700.683350
	C1914.607666,2700.987061 1917.472534,2703.446533 1919.282104,2707.330811
	C1929.948486,2730.226318 1944.997314,2750.475342 1958.375488,2771.727783
	C1961.232788,2776.266846 1965.330688,2779.834473 1971.198853,2781.594238
	C1956.429810,2825.920654 1944.890503,2869.583740 1937.946411,2914.423340
	C1934.947632,2933.787109 1938.771606,2938.590820 1957.172241,2935.283691
	C1995.132080,2928.460693 2033.106079,2921.558105 2069.776611,2909.087891
	C2076.688965,2906.737305 2083.813232,2905.011475 2092.118652,2903.705322
	C2096.268066,2905.980957 2099.485596,2907.130615 2101.953613,2909.181641
	C2120.655273,2924.728516 2141.941895,2936.089355 2163.081299,2947.769775
	C2169.252686,2951.179443 2174.559082,2956.154297 2180.261963,2960.411621
z"/>
<path fill="#BAC5D9" opacity="1.000000" stroke="none"
	d="
M2181.351562,2960.139648
	C2174.559082,2956.154297 2169.252686,2951.179443 2163.081299,2947.769775
	C2141.941895,2936.089355 2120.655273,2924.728516 2101.953613,2909.181641
	C2099.485596,2907.130615 2096.268066,2905.980957 2092.912109,2902.840576
	C2095.044678,2899.707275 2097.662842,2898.146973 2101.672852,2896.378906
	C2108.430908,2894.563965 2113.797363,2892.956787 2120.582520,2891.720947
	C2129.787354,2897.003662 2137.471191,2902.085938 2145.380127,2906.789795
	C2161.268066,2916.239502 2177.217041,2925.591797 2193.285156,2934.730469
	C2197.085693,2936.892090 2199.559082,2939.453369 2199.921631,2943.843994
	C2197.142334,2947.021484 2194.363037,2950.198975 2190.799316,2954.401367
	C2187.489990,2956.906494 2184.965576,2958.387207 2181.351562,2960.139648
z"/>
<path fill="#B1BCD0" opacity="1.000000" stroke="none"
	d="
M1919.671021,2680.833496
	C1922.584229,2677.408936 1925.700684,2674.964844 1931.354248,2672.203125
	C1936.903687,2674.146973 1941.585327,2675.804932 1942.657471,2678.768311
	C1949.592896,2697.940430 1962.403809,2713.754395 1971.788330,2731.488525
	C1974.945801,2737.454834 1979.122803,2742.243164 1985.271851,2745.929932
	C1982.473999,2752.913818 1980.039551,2758.589111 1976.222534,2763.823975
	C1971.263184,2759.660645 1966.928955,2756.413818 1964.240356,2752.133301
	C1952.446411,2733.354980 1941.031128,2714.335938 1929.708984,2695.267090
	C1927.017700,2690.734619 1925.004517,2685.858643 1919.621826,2683.801758
	C1919.705933,2683.139160 1919.790161,2682.476562 1919.671021,2680.833496
z"/>
<path fill="#C6D2E7" opacity="1.000000" stroke="none"
	d="
M1918.482056,2684.364746
	C1925.004517,2685.858643 1927.017700,2690.734619 1929.708984,2695.267090
	C1941.031128,2714.335938 1952.446411,2733.354980 1964.240356,2752.133301
	C1966.928955,2756.413818 1971.263184,2759.660645 1975.930664,2765.277588
	C1976.499512,2770.082520 1975.977539,2772.993408 1974.618164,2776.458984
	C1972.937988,2778.054443 1972.095093,2779.094971 1971.252197,2780.135498
	C1965.330688,2779.834473 1961.232788,2776.266846 1958.375488,2771.727783
	C1944.997314,2750.475342 1929.948486,2730.226318 1919.282104,2707.330811
	C1917.472534,2703.446533 1914.607666,2700.987061 1908.932983,2699.915039
	C1910.763916,2694.770996 1914.053101,2689.849365 1918.482056,2684.364746
z"/>
<path fill="#DDE6FA" opacity="1.000000" stroke="none"
	d="
M2248.995361,1877.348877
	C2254.890625,1815.345093 2277.195312,1760.071899 2318.298340,1713.123047
	C2350.535889,1676.300171 2391.320557,1656.423218 2440.839844,1656.065674
	C2468.912354,1655.862915 2494.463379,1664.213989 2517.912354,1679.322021
	C2546.408447,1697.682251 2568.136475,1722.555298 2586.015869,1750.988647
	C2605.367188,1781.762085 2617.074463,1815.484131 2623.778076,1851.050537
	C2625.129395,1858.222046 2626.106934,1865.463989 2625.534180,1874.283203
	C2621.181641,1875.711182 2618.404785,1876.016602 2615.945557,1875.272339
	C2592.033936,1868.033936 2567.719971,1862.537476 2543.279053,1857.420898
	C2536.249756,1855.949463 2530.318848,1856.451050 2523.331055,1858.915771
	C2503.841797,1820.368774 2482.696289,1784.361206 2458.318604,1750.282715
	C2454.461426,1744.890625 2450.584229,1739.456543 2446.166992,1734.535034
	C2440.737305,1728.484863 2434.895996,1728.755615 2429.186768,1735.015381
	C2426.067139,1738.435669 2423.211182,1742.157959 2420.656982,1746.022095
	C2407.487061,1765.945190 2393.740723,1785.536987 2381.592773,1806.070923
	C2371.507080,1823.118286 2363.358887,1841.312012 2353.733887,1859.109131
	C2353.115479,1859.220337 2351.896484,1859.527222 2350.846191,1858.478271
	C2337.496338,1854.344360 2326.458740,1860.436768 2314.973633,1862.631348
	C2292.851074,1866.858521 2270.974121,1872.369873 2248.995361,1877.348877
z"/>
<path fill="#C6D2E7" opacity="1.000000" stroke="none"
	d="
M2248.601074,1878.453003
	C2270.974121,1872.369873 2292.851074,1866.858521 2314.973633,1862.631348
	C2326.458740,1860.436768 2337.496338,1854.344360 2350.821289,1859.832642
	C2349.225098,1866.809448 2346.603271,1871.382812 2342.318115,1875.956299
	C2315.938721,1879.334839 2291.824707,1885.427124 2267.999023,1892.613770
	C2261.625000,1894.536377 2255.531250,1896.759644 2248.559326,1894.490479
	C2248.062500,1892.820801 2247.788574,1892.177002 2247.514648,1891.533081
	C2247.745361,1887.541138 2247.976074,1883.549194 2248.601074,1878.453003
z"/>
<path fill="#C9D6E9" opacity="1.000000" stroke="none"
	d="
M2524.337402,1859.876343
	C2530.318848,1856.451050 2536.249756,1855.949463 2543.279053,1857.420898
	C2567.719971,1862.537476 2592.033936,1868.033936 2615.945557,1875.272339
	C2618.404785,1876.016602 2621.181641,1875.711182 2625.381836,1875.869385
	C2627.561768,1880.277344 2628.171143,1884.708984 2629.366699,1890.716064
	C2629.952637,1892.291504 2629.133789,1892.355225 2627.062744,1892.222412
	C2610.385742,1891.047607 2596.752686,1886.134277 2583.016113,1881.598389
	C2565.459961,1875.801514 2547.380127,1872.835693 2528.240723,1870.889893
	C2526.207764,1867.969482 2524.884766,1866.000122 2523.761719,1862.993408
	C2524.086670,1861.262695 2524.211914,1860.569580 2524.337402,1859.876343
z"/>
<path fill="#96A1B5" opacity="1.000000" stroke="none"
	d="
M2246.770752,1891.744141
	C2247.788574,1892.177002 2248.062500,1892.820801 2248.183594,1895.279297
	C2247.598877,1898.203369 2246.886719,1899.086182 2245.893555,1899.742310
	C2245.496094,1898.099731 2245.098633,1896.457031 2244.607422,1893.543945
	C2244.513916,1892.273315 2246.027100,1891.955322 2246.770752,1891.744141
z"/>
<path fill="#DDE6FA" opacity="1.000000" stroke="none"
	d="
M3012.104248,2622.360596
	C3007.835205,2622.945312 3003.566162,2623.529785 2997.662598,2622.354004
	C2996.183350,2617.987061 2995.605713,2615.048096 2996.611816,2612.826416
	C3003.666748,2597.252930 3007.046631,2580.720703 3009.985107,2564.046143
	C3012.574463,2549.352051 3017.538086,2534.973389 3016.395752,2518.892090
	C3018.012207,2517.317871 3018.993164,2516.453857 3021.265869,2515.301270
	C3059.325684,2497.372559 3093.940186,2476.208252 3126.859131,2452.246582
	C3131.154297,2449.119873 3135.490723,2445.948730 3139.287354,2442.261963
	C3144.546387,2437.154541 3144.359619,2431.778564 3138.894775,2426.653320
	C3135.514160,2423.482422 3131.749512,2420.643799 3127.866943,2418.098877
	C3106.708252,2404.230713 3085.791748,2389.947998 3064.124023,2376.918945
	C3049.939453,2368.389648 3034.622070,2361.743896 3018.954834,2353.314941
	C3017.451904,2351.825928 3016.806396,2351.276123 3016.150391,2349.050293
	C3015.858643,2340.842773 3016.855225,2333.934326 3015.059570,2327.850342
	C3009.341553,2308.479492 3007.324219,2288.167725 2999.866211,2269.265869
	C2998.433838,2265.636230 2997.106934,2261.879883 2996.424805,2258.058105
	C2995.258301,2251.525879 2999.064697,2248.480225 3004.996582,2247.384277
	C3070.666016,2255.043945 3127.387207,2281.493164 3173.804688,2328.815674
	C3182.095947,2337.269043 3189.172607,2347.229492 3195.361084,2357.377930
	C3227.009033,2409.275879 3225.572754,2483.113037 3178.961914,2535.472412
	C3146.269287,2572.196533 3105.573975,2596.430664 3059.181641,2611.402588
	C3046.593262,2615.465332 3033.410400,2617.685303 3017.957764,2620.595215
	C3014.011719,2620.563477 3012.908203,2621.203613 3012.104248,2622.360596
z"/>
<path fill="#C6D2E7" opacity="1.000000" stroke="none"
	d="
M3003.644043,2246.523193
	C2999.064697,2248.480225 2995.258301,2251.525879 2996.424805,2258.058105
	C2997.106934,2261.879883 2998.433838,2265.636230 2999.866211,2269.265869
	C3007.324219,2288.167725 3009.341553,2308.479492 3015.059570,2327.850342
	C3016.855225,2333.934326 3015.858643,2340.842773 3014.887207,2348.951172
	C3009.156982,2348.117920 3004.679932,2345.707520 3000.162109,2341.693848
	C2999.875732,2337.449707 2999.992188,2334.713379 2999.327393,2332.182129
	C2991.606445,2302.789795 2983.767578,2273.427979 2975.959961,2244.058105
	C2976.592529,2243.836426 2977.224854,2243.614502 2978.814941,2243.087402
	C2987.278809,2243.742188 2994.785156,2244.702148 3003.644043,2246.523193
z"/>
<path fill="#C6D2E7" opacity="1.000000" stroke="none"
	d="
M3015.858643,2519.714111
	C3017.538086,2534.973389 3012.574463,2549.352051 3009.985107,2564.046143
	C3007.046631,2580.720703 3003.666748,2597.252930 2996.611816,2612.826416
	C2995.605713,2615.048096 2996.183350,2617.987061 2996.047363,2622.187500
	C2996.066895,2623.781006 2994.456543,2624.645996 2991.912598,2624.386719
	C2984.928467,2623.958984 2980.488037,2623.790527 2976.226318,2622.156006
	C2979.271729,2611.907959 2982.258057,2603.163330 2984.982666,2594.337402
	C2991.768799,2572.357422 2997.987549,2550.243652 3000.475098,2526.206543
	C3006.215332,2523.428467 3011.037109,2521.571289 3015.858643,2519.714111
z"/>
<path fill="#96A1B5" opacity="1.000000" stroke="none"
	d="
M2976.047852,2623.622314
	C2980.488037,2623.790527 2984.928467,2623.958984 2991.002930,2624.476074
	C2989.237793,2625.829590 2985.838623,2626.833740 2981.104980,2628.141602
	C2979.108887,2628.269287 2978.447266,2628.093750 2976.857910,2626.649902
	C2975.929932,2625.381104 2976.047852,2623.622314 2976.047852,2623.622314
z"/>
<path fill="#C6D2E7" opacity="1.000000" stroke="none"
	d="
M3013.083984,2622.543457
	C3012.908203,2621.203613 3014.011719,2620.563477 3016.397705,2620.571045
	C3016.604004,2621.916992 3015.498535,2622.591797 3013.083984,2622.543457
z"/>
<path fill="#2051AD" opacity="1.000000" stroke="none"
	d="
M1972.073120,2088.033203
	C1972.073120,2088.033203 1970.679565,2087.696533 1969.966064,2087.635010
	C1963.060303,2065.159668 1956.184937,2042.906372 1950.868042,2020.286865
	C1945.548950,1997.658447 1941.760254,1974.669312 1937.382568,1951.822510
	C1936.885498,1949.228271 1936.714966,1946.531128 1936.740234,1943.885132
	C1936.798706,1937.762817 1940.621216,1933.610962 1946.515625,1933.574219
	C1949.795532,1933.553711 1953.088257,1934.265625 1956.361816,1934.739014
	C1999.251465,1940.942383 2041.137207,1951.303467 2083.110352,1967.817383
	C2083.959229,1973.828613 2083.876709,1977.177246 2082.413086,1980.498901
	C2076.635010,1979.287720 2072.237305,1978.103516 2066.435303,1976.305420
	C2059.996338,1974.031128 2055.042725,1972.048950 2049.914062,1970.765503
	C2025.482544,1964.651123 2001.094482,1958.305786 1976.485229,1952.996216
	C1969.273071,1951.440186 1961.040527,1947.711060 1952.944336,1954.673828
	C1955.371216,1968.018066 1957.291748,1981.799683 1960.461060,1995.287964
	C1965.909180,2018.474365 1970.232178,2042.025024 1980.047852,2065.374023
	C1982.329102,2072.713623 1984.630615,2078.652832 1986.904053,2085.492920
	C1986.875854,2086.393555 1986.521973,2088.160645 1985.077393,2088.106201
	C1979.779541,2088.045654 1975.926270,2088.039307 1972.073120,2088.033203
z"/>
<path fill="#123E92" opacity="1.000000" stroke="none"
	d="
M2083.793945,1980.526001
	C2083.876709,1977.177246 2083.959229,1973.828613 2084.131836,1968.806885
	C2085.965576,1967.307739 2087.709229,1967.481567 2090.768555,1967.623047
	C2092.084229,1967.590698 2091.759521,1968.526489 2092.442383,1969.664795
	C2094.144287,1971.539062 2095.275146,1971.808472 2096.517090,1971.611328
	C2099.315674,1972.088745 2102.114258,1972.566162 2106.303223,1973.351807
	C2114.881348,1976.835083 2122.069092,1980.010132 2130.874268,1984.172607
	C2132.491455,1985.159912 2133.041748,1986.875244 2131.926270,1987.721191
	C2129.926025,1991.996704 2129.041016,1995.426392 2126.851074,1998.614868
	C2119.744141,1996.214722 2113.942383,1994.055664 2106.958496,1991.219849
	C2099.860840,1988.411621 2093.945068,1986.280273 2087.270752,1983.599976
	C2085.393799,1982.437622 2084.487793,1981.595947 2083.793945,1980.526001
z"/>
<path fill="#939EB2" opacity="1.000000" stroke="none"
	d="
M2133.041748,1986.875244
	C2133.041748,1986.875244 2132.491455,1985.159912 2132.214355,1984.301514
	C2132.160889,1978.288086 2134.889404,1974.866455 2139.248535,1972.361938
	C2155.927734,1962.778198 2172.622070,1953.217285 2189.169434,1943.409424
	C2194.224609,1940.413208 2198.826904,1936.652222 2204.387207,1931.922363
	C2211.495117,1936.825195 2217.851807,1943.047363 2223.107666,1950.587402
	C2217.580078,1953.161865 2212.883545,1953.845337 2208.777588,1955.781860
	C2196.141846,1961.741455 2183.616699,1967.964111 2171.284912,1974.528320
	C2165.459717,1977.629272 2159.938477,1981.447510 2154.772705,1985.560181
	C2153.032471,1986.945679 2152.813965,1990.242554 2150.507568,1992.386108
	C2143.757568,1990.362671 2138.399658,1988.618896 2133.041748,1986.875244
z"/>
<path fill="#6D778A" opacity="1.000000" stroke="none"
	d="
M1951.982910,2243.900635
	C1961.871826,2236.926514 1961.871826,2236.926514 1957.778076,2225.084229
	C1964.518799,2221.955078 1966.194458,2216.493896 1967.961060,2211.822510
	C1975.665039,2191.451904 1989.367798,2174.604492 2001.168945,2156.742920
	C2005.682739,2164.986328 2009.073853,2172.480957 2011.052490,2180.153564
	C2008.468994,2180.894287 2006.763550,2181.137939 2006.208496,2182.068115
	C2000.156128,2192.211670 1993.126343,2201.980713 1988.622070,2212.792969
	C1981.038452,2230.996582 1972.223999,2248.630371 1965.589355,2267.346680
	C1960.000488,2283.113037 1954.825684,2298.331787 1954.263428,2315.612793
	C1946.188843,2317.805176 1939.534790,2319.541748 1932.620117,2319.546387
	C1931.518066,2310.462158 1932.746216,2303.533447 1935.169434,2296.467529
	C1941.135986,2279.069336 1946.422729,2261.437988 1951.982910,2243.900635
z"/>
<path fill="#8D98AB" opacity="1.000000" stroke="none"
	d="
M1950.281738,2243.698975
	C1946.422729,2261.437988 1941.135986,2279.069336 1935.169434,2296.467529
	C1932.746216,2303.533447 1931.518066,2310.462158 1931.464600,2320.338623
	C1920.640015,2326.355957 1910.710449,2329.848633 1900.604614,2331.695312
	C1900.522827,2328.080322 1900.244019,2326.005371 1900.771606,2324.160645
	C1904.741699,2310.281006 1908.858276,2296.443359 1912.952393,2282.599365
	C1916.842041,2269.446289 1920.760010,2256.301514 1924.665527,2243.153076
	C1932.637329,2243.267822 1940.609009,2243.382568 1950.281738,2243.698975
z"/>
<path fill="#A8B4C8" opacity="1.000000" stroke="none"
	d="
M1924.651123,2242.884033
	C1920.760010,2256.301514 1916.842041,2269.446289 1912.952393,2282.599365
	C1908.858276,2296.443359 1904.741699,2310.281006 1900.771606,2324.160645
	C1900.244019,2326.005371 1900.522827,2328.080322 1899.733887,2332.465332
	C1896.418091,2336.473633 1893.796753,2338.064941 1889.830811,2339.667969
	C1885.849609,2340.186035 1883.213135,2340.692139 1880.576660,2341.198486
	C1879.885620,2333.282227 1880.302246,2325.693115 1882.619995,2317.805664
	C1888.162720,2298.941650 1890.570557,2279.218750 1898.812500,2261.038086
	C1900.595215,2257.105713 1899.691284,2251.955078 1900.043213,2245.716309
	C1902.973755,2243.587891 1905.885986,2243.109131 1911.791748,2243.031738
	C1917.947388,2243.028076 1921.109619,2242.623291 1924.271851,2242.218750
	C1924.271851,2242.218506 1924.636841,2242.614990 1924.651123,2242.884033
z"/>
<path fill="#8590A2" opacity="1.000000" stroke="none"
	d="
M2000.046387,2155.994141
	C1989.367798,2174.604492 1975.665039,2191.451904 1967.961060,2211.822510
	C1966.194458,2216.493896 1964.518799,2221.955078 1957.144775,2223.850586
	C1951.985229,2220.958984 1948.241943,2217.826172 1945.087280,2212.787354
	C1955.250000,2193.691406 1964.940674,2176.565186 1974.345093,2159.282959
	C1978.548828,2151.557861 1982.732300,2144.182373 1993.799561,2144.283936
	C1996.119629,2146.166016 1997.556396,2147.565918 1999.198730,2150.130127
	C1999.618164,2152.861084 1999.832275,2154.427734 2000.046387,2155.994141
z"/>
<path fill="#B3BED3" opacity="1.000000" stroke="none"
	d="
M1924.543701,2192.498047
	C1923.771729,2178.390137 1931.837036,2168.765137 1937.215576,2158.325928
	C1943.879883,2145.391113 1952.248535,2133.343018 1959.635620,2120.768066
	C1963.102905,2114.865967 1966.813477,2109.551270 1976.497559,2108.783203
	C1980.556274,2114.292236 1982.177979,2119.114014 1982.413330,2124.093750
	C1978.427368,2126.133789 1975.079468,2127.494385 1973.347046,2129.980469
	C1959.765747,2149.472656 1948.440308,2170.289307 1938.342651,2191.764160
	C1936.685181,2195.288818 1936.107300,2199.321045 1935.030273,2203.118652
	C1931.682251,2200.013184 1928.334229,2196.907715 1924.543701,2192.498047
z"/>
<path fill="#9CA8BC" opacity="1.000000" stroke="none"
	d="
M1935.251221,2204.155762
	C1936.107300,2199.321045 1936.685181,2195.288818 1938.342651,2191.764160
	C1948.440308,2170.289307 1959.765747,2149.472656 1973.347046,2129.980469
	C1975.079468,2127.494385 1978.427368,2126.133789 1983.322266,2125.134277
	C1988.050415,2131.945068 1990.483276,2137.873291 1992.916260,2143.801514
	C1982.732300,2144.182373 1978.548828,2151.557861 1974.345093,2159.282959
	C1964.940674,2176.565186 1955.250000,2193.691406 1944.497070,2211.699219
	C1940.703003,2210.075928 1938.087524,2207.634521 1935.251221,2204.155762
z"/>
<path fill="#536A99" opacity="1.000000" stroke="none"
	d="
M1923.361084,2241.541260
	C1921.109619,2242.623291 1917.947388,2243.028076 1913.266846,2242.865723
	C1915.315796,2241.820312 1918.883057,2241.342041 1923.361084,2241.541260
z"/>
<path fill="#133B86" opacity="1.000000" stroke="none"
	d="
M1993.799438,2144.283936
	C1990.483276,2137.873291 1988.050415,2131.945068 1984.708618,2124.976074
	C1982.177979,2119.114014 1980.556274,2114.292236 1977.964844,2108.651611
	C1975.418701,2102.203857 1973.842163,2096.574951 1972.169434,2089.489746
	C1975.926270,2088.039307 1979.779541,2088.045654 1985.658203,2089.388428
	C1990.486938,2096.468994 1993.290161,2102.212891 1996.154175,2109.390137
	C2001.277466,2121.869141 2006.339966,2132.915283 2009.990967,2144.007812
	C2004.481323,2143.929443 2001.160034,2145.320801 1998.993286,2148.965576
	C1997.556396,2147.565918 1996.119629,2146.166016 1993.799438,2144.283936
z"/>
<path fill="#2051AD" opacity="1.000000" stroke="none"
	d="
M2095.952393,1970.887207
	C2095.275146,1971.808472 2094.144287,1971.539062 2092.517334,1970.154297
	C2093.188477,1969.092651 2094.347900,1969.311768 2095.952393,1970.887207
z"/>
<path fill="#6D778A" opacity="1.000000" stroke="none"
	d="
M2232.708496,1959.675537
	C2237.504639,1959.635010 2241.363770,1957.764160 2246.376465,1952.814209
	C2256.760742,1949.722656 2265.020020,1947.933960 2273.075439,1945.477661
	C2289.901367,1940.346802 2306.329834,1933.773926 2324.063965,1933.448242
	C2322.423584,1940.479858 2320.755859,1946.048096 2317.536133,1951.733398
	C2302.130127,1953.319824 2289.517578,1959.054443 2276.346924,1962.923462
	C2241.864258,1973.052856 2210.766602,1989.862061 2178.868652,2007.678955
	C2174.381104,2005.201172 2171.122559,2002.895996 2168.426758,1999.311768
	C2178.207764,1991.923218 2187.214111,1985.459473 2196.696777,1979.793091
	C2208.494873,1972.743164 2220.686768,1966.351562 2232.708496,1959.675537
z"/>
<path fill="#96A1B5" opacity="1.000000" stroke="none"
	d="
M2245.067139,1931.705444
	C2244.932373,1926.134888 2244.797607,1920.564331 2246.627441,1913.423340
	C2260.702881,1908.993652 2272.784912,1906.003906 2284.931885,1903.305786
	C2302.802490,1899.336182 2319.567139,1890.194458 2338.920410,1892.565186
	C2339.213867,1893.358765 2339.569336,1895.011108 2338.552246,1895.909912
	C2335.450928,1901.815430 2333.366455,1906.822266 2329.726074,1911.902100
	C2307.497803,1917.685303 2286.700928,1922.991821 2266.221680,1929.326050
	C2259.100586,1931.528198 2252.254150,1932.122437 2245.067139,1931.705444
z"/>
<path fill="#808B9E" opacity="1.000000" stroke="none"
	d="
M2244.730957,1933.348145
	C2252.254150,1932.122437 2259.100586,1931.528198 2266.221680,1929.326050
	C2286.700928,1922.991821 2307.497803,1917.685303 2329.633057,1913.248901
	C2328.742920,1920.343384 2326.389893,1926.164185 2324.036865,1931.984985
	C2306.329834,1933.773926 2289.901367,1940.346802 2273.075439,1945.477661
	C2265.020020,1947.933960 2256.760742,1949.722656 2247.133789,1951.698242
	C2245.247559,1946.052124 2244.821045,1940.521484 2244.730957,1933.348145
z"/>
<path fill="#AEB9CD" opacity="1.000000" stroke="none"
	d="
M2338.626953,1891.771729
	C2319.567139,1890.194458 2302.802490,1899.336182 2284.931885,1903.305786
	C2272.784912,1906.003906 2260.702881,1908.993652 2247.064697,1911.805908
	C2245.388916,1908.736572 2245.240234,1905.714233 2245.492676,1901.217163
	C2246.886719,1899.086182 2247.598877,1898.203369 2248.406250,1896.305054
	C2255.531250,1896.759644 2261.625000,1894.536377 2267.999023,1892.613770
	C2291.824707,1885.427124 2315.938721,1879.334839 2342.264160,1877.367310
	C2342.124512,1883.109497 2340.375732,1887.440674 2338.626953,1891.771729
z"/>
<path fill="#7D889C" opacity="1.000000" stroke="none"
	d="
M2232.140625,1958.719971
	C2220.686768,1966.351562 2208.494873,1972.743164 2196.696777,1979.793091
	C2187.214111,1985.459473 2178.207764,1991.923218 2167.138184,1999.053467
	C2160.824219,1997.604614 2156.362061,1995.135132 2151.899658,1992.665771
	C2152.813965,1990.242554 2153.032471,1986.945679 2154.772705,1985.560181
	C2159.938477,1981.447510 2165.459717,1977.629272 2171.284912,1974.528320
	C2183.616699,1967.964111 2196.141846,1961.741455 2208.777588,1955.781860
	C2212.883545,1953.845337 2217.580078,1953.161865 2223.638428,1951.844238
	C2227.371094,1953.776978 2229.472168,1955.770630 2232.140625,1958.719971
z"/>
<path fill="#123E92" opacity="1.000000" stroke="none"
	d="
M2353.597900,3012.186768
	C2350.880127,3006.818848 2349.011475,3001.981689 2346.347656,2996.114258
	C2344.185059,2990.890137 2342.817627,2986.696777 2342.786377,2981.138184
	C2349.988037,2979.593262 2351.996826,2976.287842 2351.723877,2970.786133
	C2351.384766,2963.945801 2344.899414,2957.514648 2349.833496,2950.984863
	C2355.001709,2948.378662 2359.489502,2946.115479 2365.386719,2944.067383
	C2373.866699,2946.914062 2380.936768,2949.546143 2388.995605,2953.276367
	C2420.197021,2966.168457 2450.609131,2966.587158 2481.341797,2956.342041
	C2486.015381,2954.784180 2489.851562,2952.756592 2493.760498,2948.354004
	C2500.810547,2946.782715 2506.402588,2945.303711 2512.951172,2944.983887
	C2519.895508,2946.839600 2525.883057,2947.535889 2531.714355,2949.640137
	C2527.729492,2959.364990 2523.901123,2967.682617 2518.283691,2976.004395
	C2509.892334,2976.203857 2502.839111,2974.980225 2496.785889,2976.903809
	C2485.713623,2980.422363 2474.616943,2979.925049 2463.437256,2979.980469
	C2443.595215,2980.078613 2423.748779,2980.230713 2403.912109,2979.887939
	C2396.745117,2979.764160 2389.559814,2978.532715 2382.457764,2977.355713
	C2374.121094,2975.973633 2365.890625,2974.429443 2356.946777,2978.583008
	C2359.224854,2987.148193 2362.191162,2994.188232 2367.795410,3001.537598
	C2367.986572,3006.019043 2368.095459,3009.008301 2367.435791,3013.002930
	C2363.418457,3014.625488 2360.169678,3015.242676 2356.920898,3015.859863
	C2356.096191,3014.812500 2355.271484,3013.764893 2353.597900,3012.186768
z"/>
<path fill="#1B4EAE" opacity="1.000000" stroke="none"
	d="
M2357.085449,3017.236328
	C2360.169678,3015.242676 2363.418457,3014.625488 2368.382812,3013.634033
	C2372.083252,3015.503906 2374.068115,3017.748291 2376.203125,3021.405518
	C2382.270996,3033.911865 2387.626953,3045.353027 2394.230713,3056.021240
	C2405.743408,3074.620361 2417.839600,3092.868164 2430.081055,3111.000488
	C2434.594727,3117.686279 2441.690186,3117.356934 2446.410889,3110.440918
	C2455.756348,3096.749512 2464.707764,3082.788818 2473.794189,3068.921143
	C2483.968262,3053.393555 2492.876953,3037.184082 2500.970703,3019.412109
	C2503.901611,3016.536133 2505.862061,3014.267822 2508.593750,3013.010254
	C2512.634033,3014.642090 2515.902588,3015.262939 2519.171387,3015.883789
	C2512.417236,3029.481689 2506.550781,3043.616943 2498.714111,3056.559814
	C2484.653809,3079.782227 2469.482910,3102.335938 2454.596680,3125.051270
	C2451.709717,3129.456299 2448.227783,3133.535645 2444.610840,3137.379639
	C2440.889160,3141.334229 2436.034912,3141.438721 2432.349609,3137.690430
	C2429.117432,3134.402832 2426.264160,3130.708984 2423.490234,3127.009521
	C2397.973877,3092.980469 2375.977295,3056.793945 2357.085449,3017.236328
z"/>
<path fill="#123E92" opacity="1.000000" stroke="none"
	d="
M2519.856689,3015.156494
	C2515.902588,3015.262939 2512.634033,3014.642090 2508.660645,3011.515869
	C2508.074951,3006.024170 2508.194336,3003.038086 2509.320312,2999.293945
	C2513.500732,2993.700439 2516.674316,2988.865479 2521.447266,2984.023682
	C2526.248779,2984.077881 2529.450439,2984.138916 2532.652344,2984.199707
	C2532.457520,2985.936768 2532.262695,2987.673828 2532.089355,2990.724365
	C2529.239014,2997.666260 2526.367432,3003.294922 2523.412842,3010.284668
	C2522.082031,3012.254639 2521.152832,3013.182617 2519.856689,3015.156494
z"/>
<path fill="#8D98AB" opacity="1.000000" stroke="none"
	d="
M2246.887207,2948.346680
	C2245.286865,2941.593018 2245.143311,2934.808105 2246.750000,2926.157959
	C2252.315186,2924.863525 2256.275391,2924.964844 2259.919189,2926.090332
	C2271.725342,2929.736084 2283.261963,2934.347900 2295.197510,2937.451416
	C2305.083496,2940.022217 2314.675781,2945.220459 2326.106445,2943.108398
	C2326.718750,2943.481689 2328.042236,2944.034668 2328.019287,2945.520996
	C2330.700684,2955.313965 2333.405029,2963.621094 2336.109375,2971.927979
	C2317.568604,2967.354492 2298.972168,2962.993408 2280.508545,2958.126953
	C2269.677246,2955.272217 2259.058105,2951.612549 2246.887207,2948.346680
z"/>
<path fill="#0B2D73" opacity="1.000000" stroke="none"
	d="
M2336.924805,2972.787598
	C2333.405029,2963.621094 2330.700684,2955.313965 2329.471680,2945.477783
	C2341.048828,2945.202393 2338.229492,2934.842529 2342.975342,2930.161865
	C2350.753174,2933.577637 2359.417969,2935.314209 2363.977295,2943.852539
	C2359.489502,2946.115479 2355.001709,2948.378662 2349.833496,2950.984863
	C2344.899414,2957.514648 2351.384766,2963.945801 2351.723877,2970.786133
	C2351.996826,2976.287842 2349.988037,2979.593262 2342.656982,2979.817871
	C2340.040771,2977.790771 2338.890381,2975.718994 2336.924805,2972.787598
z"/>
<path fill="#8D98AB" opacity="1.000000" stroke="none"
	d="
M2630.367188,2924.609375
	C2630.656982,2931.438232 2630.946777,2938.266846 2630.791992,2946.763672
	C2623.756348,2948.095459 2617.209717,2947.413086 2610.929688,2950.635986
	C2596.669189,2957.954346 2580.588135,2959.153320 2565.495850,2963.720703
	C2558.620850,2965.801758 2551.382568,2966.682861 2542.839600,2966.787842
	C2543.591309,2958.332520 2545.812744,2951.197510 2548.678711,2943.801758
	C2549.323242,2943.540771 2550.563477,2942.912598 2552.225098,2943.205566
	C2570.163086,2940.803223 2586.150635,2937.211426 2601.739502,2931.501221
	C2610.895264,2928.147949 2620.799561,2926.838379 2630.367188,2924.609375
z"/>
<path fill="#0D3075" opacity="1.000000" stroke="none"
	d="
M2548.034180,2944.062744
	C2545.812744,2951.197510 2543.591309,2958.332520 2541.289551,2966.861328
	C2538.979004,2972.978516 2536.749268,2977.701904 2533.585938,2983.312500
	C2529.450439,2984.138916 2526.248779,2984.077881 2521.500977,2982.685059
	C2519.994141,2979.568848 2520.033447,2977.784424 2520.072510,2976.000000
	C2523.901123,2967.682617 2527.729492,2959.364990 2532.157715,2948.729004
	C2533.817871,2945.618896 2534.878418,2944.827637 2537.450928,2944.038574
	C2541.986572,2944.048096 2545.010498,2944.055420 2548.034180,2944.062744
z"/>
<path fill="#707B8E" opacity="1.000000" stroke="none"
	d="
M2630.797363,2923.128906
	C2620.799561,2926.838379 2610.895264,2928.147949 2601.739502,2931.501221
	C2586.150635,2937.211426 2570.163086,2940.803223 2552.418945,2941.822266
	C2552.659180,2934.780518 2554.367188,2929.415283 2557.652344,2924.000977
	C2572.293701,2921.737061 2584.407471,2916.300537 2597.020264,2912.739746
	C2624.470459,2904.989990 2650.224854,2893.500977 2675.143311,2880.072998
	C2682.984375,2875.848145 2692.298828,2872.483154 2697.501953,2863.324951
	C2703.220703,2866.543457 2707.623047,2869.418213 2711.896484,2873.686523
	C2709.772461,2882.059570 2704.456543,2885.752441 2698.379150,2888.777588
	C2688.909668,2893.491455 2679.391357,2898.123047 2670.083496,2903.141357
	C2662.609375,2907.171387 2655.416504,2911.722900 2648.098877,2916.042969
	C2646.898438,2915.483154 2645.725830,2914.852295 2644.493408,2914.375000
	C2635.136475,2910.747803 2634.672119,2911.010010 2630.797363,2923.128906
z"/>
<path fill="#A8B4C8" opacity="1.000000" stroke="none"
	d="
M2765.058350,2895.247559
	C2743.996094,2911.593018 2721.932373,2926.294922 2697.530029,2937.322021
	C2692.263184,2939.702148 2685.931885,2941.451172 2684.429199,2949.946777
	C2673.047363,2948.937256 2668.420166,2939.432617 2663.593018,2929.770996
	C2688.991455,2922.403809 2708.604248,2907.154785 2729.798828,2895.008057
	C2734.262207,2892.449951 2736.087646,2888.363770 2737.614502,2883.650635
	C2747.707764,2887.701904 2756.383057,2891.474609 2765.058350,2895.247559
z"/>
<path fill="#8D98AB" opacity="1.000000" stroke="none"
	d="
M2736.196533,2883.372314
	C2736.087646,2888.363770 2734.262207,2892.449951 2729.798828,2895.008057
	C2708.604248,2907.154785 2688.991455,2922.403809 2662.875488,2928.521973
	C2657.136230,2925.237061 2653.127441,2921.732910 2648.608887,2917.135742
	C2655.416504,2911.722900 2662.609375,2907.171387 2670.083496,2903.141357
	C2679.391357,2898.123047 2688.909668,2893.491455 2698.379150,2888.777588
	C2704.456543,2885.752441 2709.772461,2882.059570 2713.297852,2873.824707
	C2721.873535,2875.047852 2728.919189,2877.526123 2736.090576,2880.841797
	C2736.216309,2881.679199 2736.196533,2883.372314 2736.196533,2883.372314
z"/>
<path fill="#6D778A" opacity="1.000000" stroke="none"
	d="
M2325.494141,2942.735107
	C2314.675781,2945.220459 2305.083496,2940.022217 2295.197510,2937.451416
	C2283.261963,2934.347900 2271.725342,2929.736084 2259.919189,2926.090332
	C2256.275391,2924.964844 2252.315186,2924.863525 2247.029297,2924.482422
	C2245.217285,2923.397949 2244.916260,2922.111328 2244.528320,2920.851562
	C2241.578857,2911.276123 2241.573486,2911.277832 2229.011230,2913.824219
	C2224.535645,2910.345947 2221.967529,2907.215088 2218.669922,2905.434082
	C2208.749268,2900.074707 2198.318848,2895.639160 2188.515869,2890.086426
	C2179.455811,2884.954346 2169.114746,2881.225342 2163.765869,2870.358887
	C2163.784424,2869.559082 2163.943848,2867.958740 2165.288086,2867.784912
	C2170.869629,2866.232666 2175.106689,2864.854248 2180.607666,2864.136719
	C2184.528076,2866.795166 2186.962158,2869.225098 2189.875488,2870.722412
	C2215.878174,2884.086670 2241.620850,2898.099609 2269.332031,2907.707764
	C2285.569336,2913.337891 2301.743164,2919.651855 2319.730469,2921.671875
	C2321.946045,2929.633789 2323.719971,2936.184326 2325.494141,2942.735107
z"/>
<path fill="#9CA8BC" opacity="1.000000" stroke="none"
	d="
M2201.121094,2943.432617
	C2199.559082,2939.453369 2197.085693,2936.892090 2193.285156,2934.730469
	C2177.217041,2925.591797 2161.268066,2916.239502 2145.380127,2906.789795
	C2137.471191,2902.085938 2129.787354,2897.003662 2121.433105,2890.563477
	C2128.795654,2882.743652 2138.838867,2881.974609 2148.010254,2880.182373
	C2148.764160,2886.745605 2151.898193,2889.737061 2156.232666,2892.061768
	C2171.293213,2900.138672 2186.276123,2908.360840 2201.262451,2916.575684
	C2206.955811,2919.697021 2213.657715,2921.579590 2216.387451,2928.482422
	C2211.698486,2933.328857 2207.009521,2938.175049 2201.121094,2943.432617
z"/>
<path fill="#808B9E" opacity="1.000000" stroke="none"
	d="
M2217.535156,2927.935547
	C2213.657715,2921.579590 2206.955811,2919.697021 2201.262451,2916.575684
	C2186.276123,2908.360840 2171.293213,2900.138672 2156.232666,2892.061768
	C2151.898193,2889.737061 2148.764160,2886.745605 2148.833496,2879.249023
	C2154.292480,2874.932861 2159.019775,2873.045654 2163.747314,2871.158447
	C2169.114746,2881.225342 2179.455811,2884.954346 2188.515869,2890.086426
	C2198.318848,2895.639160 2208.749268,2900.074707 2218.669922,2905.434082
	C2221.967529,2907.215088 2224.535645,2910.345947 2227.604492,2914.202393
	C2224.741943,2919.492920 2221.712402,2923.440674 2217.535156,2927.935547
z"/>
<path fill="#2051AD" opacity="1.000000" stroke="none"
	d="
M2779.983643,1971.748657
	C2783.616699,1969.888062 2787.250000,1968.027344 2791.752930,1965.257690
	C2815.662354,1958.229980 2838.572754,1951.554565 2861.781250,1946.161865
	C2881.782959,1941.514282 2902.120850,1938.308472 2922.320068,1934.518677
	C2924.908447,1934.032959 2927.557861,1933.609497 2930.178467,1933.611816
	C2935.248291,1933.616577 2939.321533,1937.214233 2939.334473,1942.134766
	C2939.346436,1946.734985 2938.757324,1951.370361 2938.060791,1955.933594
	C2931.442871,1999.300903 2920.663330,2041.663086 2906.815430,2084.785889
	C2905.044678,2089.016113 2903.563965,2091.808105 2900.002441,2094.834717
	C2894.757324,2094.087402 2891.593018,2093.105469 2888.220459,2091.041748
	C2887.873291,2089.238281 2887.734619,2088.517090 2888.316406,2086.583984
	C2891.392822,2078.256348 2893.748779,2071.140381 2896.899902,2062.765625
	C2909.624023,2026.396484 2918.331543,1990.580444 2922.653809,1953.472656
	C2913.727539,1949.131836 2905.806885,1951.738892 2898.259277,1953.202759
	C2881.327637,1956.486572 2864.386230,1959.971069 2847.764160,1964.525513
	C2832.491699,1968.710083 2817.632324,1974.402588 2801.173584,1979.455078
	C2793.337646,1981.305786 2786.919189,1983.132202 2780.386963,1983.310059
	C2780.176758,1978.357056 2780.080078,1975.052856 2779.983643,1971.748657
z"/>
<path fill="#A8B4C8" opacity="1.000000" stroke="none"
	d="
M2954.128174,2187.649414
	C2951.152588,2192.845703 2946.804443,2197.886475 2940.106445,2202.891602
	C2935.118408,2199.131592 2931.457764,2195.762695 2930.020020,2191.621826
	C2924.097900,2174.563721 2912.719482,2160.608398 2904.396484,2144.941162
	C2900.878906,2138.320068 2896.736572,2132.461670 2888.383301,2130.617676
	C2891.195801,2123.462891 2893.895020,2117.691895 2896.594238,2111.920898
	C2904.132568,2112.464844 2908.252930,2117.594482 2911.646729,2123.443604
	C2922.237549,2141.698242 2932.780762,2159.981445 2943.169678,2178.351074
	C2945.498779,2182.469482 2947.509277,2186.585938 2954.128174,2187.649414
z"/>
<path fill="#0D327C" opacity="1.000000" stroke="none"
	d="
M2896.626953,2110.558350
	C2893.895020,2117.691895 2891.195801,2123.462891 2887.294922,2131.360107
	C2883.952881,2138.280273 2881.812500,2143.073975 2878.781250,2147.923828
	C2877.890137,2147.979736 2876.120850,2148.220703 2875.357422,2147.188477
	C2871.344971,2145.448242 2868.095703,2144.740479 2865.115723,2142.690430
	C2869.963135,2130.120850 2878.130127,2120.430908 2880.236572,2106.735840
	C2883.321533,2101.077637 2885.875244,2096.600586 2888.428955,2092.123779
	C2891.593018,2093.105469 2894.757324,2094.087402 2899.079102,2095.581543
	C2899.044189,2100.460938 2897.851807,2104.828369 2896.626953,2110.558350
z"/>
<path fill="#707B8E" opacity="1.000000" stroke="none"
	d="
M2628.984863,1944.550293
	C2629.673828,1946.300293 2630.321289,1948.067993 2631.058594,1949.797485
	C2635.826660,1960.984619 2637.582764,1961.292603 2650.989746,1952.797852
	C2673.844238,1960.967651 2692.248047,1972.812500 2711.226807,1983.605591
	C2716.210938,1986.440063 2719.917969,1989.647095 2719.216553,1996.874512
	C2712.544434,2000.213623 2706.652100,2002.437744 2699.466797,2004.020874
	C2654.161865,1975.324219 2606.362305,1956.359131 2555.177490,1942.823486
	C2553.422119,1937.201782 2552.275879,1932.812744 2552.845215,1928.301025
	C2564.751465,1926.792847 2573.929199,1930.683472 2583.260010,1933.725220
	C2598.204834,1938.597168 2613.048096,1943.876831 2628.984863,1944.550293
z"/>
<path fill="#939EB2" opacity="1.000000" stroke="none"
	d="
M2719.996582,1995.759277
	C2719.917969,1989.647095 2716.210938,1986.440063 2711.226807,1983.605591
	C2692.248047,1972.812500 2673.844238,1960.967651 2652.065918,1952.169678
	C2654.900391,1942.430298 2662.575195,1936.168945 2670.926025,1928.830933
	C2672.236084,1934.661743 2677.275879,1937.056396 2682.092773,1939.003662
	C2698.617676,1945.683960 2713.860840,1954.659546 2728.712402,1964.355957
	C2735.841309,1969.010254 2742.739258,1974.017822 2750.272705,1980.613770
	C2743.085693,1986.384277 2735.367920,1990.406494 2726.381348,1994.707520
	C2723.407471,1995.244019 2721.701904,1995.501709 2719.996582,1995.759277
z"/>
<path fill="#9CA8BC" opacity="1.000000" stroke="none"
	d="
M2629.295166,1912.527832
	C2629.441650,1918.109131 2629.588135,1923.690430 2627.850830,1930.598877
	C2616.681396,1928.904297 2607.512939,1925.435303 2598.084473,1922.957642
	C2580.560547,1918.352661 2563.455566,1911.583130 2544.376953,1910.751221
	C2542.550537,1907.802368 2541.258545,1905.895996 2539.971680,1902.583496
	C2539.350342,1898.440796 2538.724121,1895.704346 2539.918945,1892.684814
	C2550.289307,1891.774170 2558.519775,1892.226562 2566.969971,1894.861816
	C2587.577393,1901.288330 2608.499512,1906.704712 2629.295166,1912.527832
z"/>
<path fill="#B3BED3" opacity="1.000000" stroke="none"
	d="
M2629.566406,1910.828857
	C2608.499512,1906.704712 2587.577393,1901.288330 2566.969971,1894.861816
	C2558.519775,1892.226562 2550.289307,1891.774170 2539.212402,1891.622070
	C2534.106934,1884.508423 2531.528809,1878.174683 2528.950928,1871.840820
	C2547.380127,1872.835693 2565.459961,1875.801514 2583.016113,1881.598389
	C2596.752686,1886.134277 2610.385742,1891.047607 2626.657227,1892.157593
	C2628.827637,1897.860474 2629.332764,1903.495239 2629.566406,1910.828857
z"/>
<path fill="#8590A2" opacity="1.000000" stroke="none"
	d="
M2544.911377,1911.793823
	C2563.455566,1911.583130 2580.560547,1918.352661 2598.084473,1922.957642
	C2607.512939,1925.435303 2616.681396,1928.904297 2627.583984,1932.259033
	C2629.247070,1935.575928 2629.292969,1938.559692 2629.161865,1943.046875
	C2613.048096,1943.876831 2598.204834,1938.597168 2583.260010,1933.725220
	C2573.929199,1930.683472 2564.751465,1926.792847 2552.020508,1927.326416
	C2547.957520,1921.580933 2546.434326,1916.687378 2544.911377,1911.793823
z"/>
<path fill="#0D3075" opacity="1.000000" stroke="none"
	d="
M2727.650146,1994.428711
	C2735.367920,1990.406494 2743.085693,1986.384277 2751.492432,1981.235229
	C2756.625488,1978.870483 2761.069336,1977.632446 2767.552246,1976.228516
	C2770.510742,1975.908813 2771.189941,1975.420654 2771.628906,1974.598267
	C2773.423340,1973.770264 2775.217529,1972.942261 2778.497803,1971.931396
	C2780.080078,1975.052856 2780.176758,1978.357056 2780.028320,1983.982666
	C2779.783203,1986.304199 2779.083496,1987.661743 2777.713135,1987.614014
	C2772.257324,1989.188599 2768.171875,1990.811157 2762.739014,1992.746460
	C2750.279053,1998.087158 2739.166504,2003.114990 2728.016113,2006.432983
	C2727.868896,2001.291626 2727.759521,1997.860107 2727.650146,1994.428711
z"/>
<path fill="#2051AD" opacity="1.000000" stroke="none"
	d="
M2770.953613,1974.172607
	C2771.189941,1975.420654 2770.510742,1975.908813 2768.944336,1976.043335
	C2768.297363,1976.024048 2768.524658,1974.813110 2768.606934,1974.204834
	C2768.689453,1973.596680 2770.278564,1973.746826 2770.953613,1974.172607
z"/>
<path fill="#677083" opacity="1.000000" stroke="none"
	d="
M2916.068359,2227.942139
	C2916.076904,2231.796875 2916.085449,2235.651855 2916.131348,2242.677979
	C2916.217773,2247.168457 2915.976074,2248.579102 2916.359375,2249.792480
	C2921.902832,2267.337891 2927.715088,2284.801270 2933.029541,2302.414795
	C2934.709961,2307.983887 2935.111084,2313.938721 2934.616699,2319.739746
	C2924.847412,2317.052246 2916.559326,2314.341797 2908.213379,2309.980469
	C2907.523438,2303.109619 2906.751709,2297.901367 2906.285889,2292.666016
	C2905.015869,2278.400635 2895.923096,2267.023438 2892.043457,2253.765137
	C2886.606689,2235.184814 2876.996338,2218.539307 2868.634766,2201.300537
	C2866.528809,2196.958252 2863.950439,2193.318359 2859.303223,2190.526611
	C2863.445312,2180.712402 2867.320801,2172.338379 2872.412109,2164.625488
	C2878.215332,2172.391357 2883.218994,2179.266357 2887.288330,2186.656250
	C2892.916016,2196.875732 2897.989502,2207.411621 2903.005127,2217.952637
	C2905.723389,2223.666016 2909.134521,2227.976562 2916.068359,2227.942139
z"/>
<path fill="#AEB9CD" opacity="1.000000" stroke="none"
	d="
M2974.750000,2243.590820
	C2983.767578,2273.427979 2991.606445,2302.789795 2999.327393,2332.182129
	C2999.992188,2334.713379 2999.875732,2337.449707 2998.875488,2341.629639
	C2993.571045,2341.941650 2989.513184,2340.714600 2984.697266,2338.640381
	C2982.682129,2336.955322 2981.425293,2336.117188 2980.100342,2333.705566
	C2976.437256,2318.098877 2973.002930,2304.022217 2969.203857,2290.044434
	C2965.052246,2274.769775 2960.562500,2259.587158 2957.765625,2244.259277
	C2962.336426,2243.614014 2965.362061,2243.073730 2968.387451,2242.533691
	C2970.104980,2242.730225 2971.822510,2242.927002 2974.750000,2243.590820
z"/>
<path fill="#7D889C" opacity="1.000000" stroke="none"
	d="
M2917.160156,2227.377930
	C2909.134521,2227.976562 2905.723389,2223.666016 2903.005127,2217.952637
	C2897.989502,2207.411621 2892.916016,2196.875732 2887.288330,2186.656250
	C2883.218994,2179.266357 2878.215332,2172.391357 2872.706055,2163.266113
	C2873.229492,2156.904053 2874.675293,2152.562500 2876.121094,2148.220703
	C2876.120850,2148.220703 2877.890137,2147.979736 2880.214844,2148.090576
	C2884.787842,2149.458252 2888.002686,2150.149170 2889.124756,2152.065430
	C2895.726807,2163.339844 2901.498291,2175.105713 2908.219971,2186.303467
	C2914.441650,2196.668213 2915.622070,2210.535156 2928.556885,2216.364746
	C2925.121826,2219.847656 2921.687012,2223.330811 2917.160156,2227.377930
z"/>
<path fill="#7D889C" opacity="1.000000" stroke="none"
	d="
M2936.097656,2319.717041
	C2935.111084,2313.938721 2934.709961,2307.983887 2933.029541,2302.414795
	C2927.715088,2284.801270 2921.902832,2267.337891 2916.359375,2249.792480
	C2915.976074,2248.579102 2916.217773,2247.168457 2916.240723,2244.121094
	C2920.230225,2242.633301 2924.148193,2242.873779 2930.819336,2243.396240
	C2934.437500,2243.831543 2935.302246,2243.984863 2936.138184,2245.678711
	C2936.365723,2249.184814 2936.144043,2251.376953 2936.951172,2253.082031
	C2945.490234,2271.124023 2948.877441,2290.760498 2954.421631,2309.712891
	C2955.850586,2314.597900 2955.045410,2320.136719 2953.780029,2325.161133
	C2948.325928,2324.385254 2944.358154,2323.823486 2939.817627,2322.517090
	C2938.248291,2321.006348 2937.199463,2320.321289 2936.097656,2319.717041
z"/>
<path fill="#939EB2" opacity="1.000000" stroke="none"
	d="
M2929.627441,2215.770508
	C2915.622070,2210.535156 2914.441650,2196.668213 2908.219971,2186.303467
	C2901.498291,2175.105713 2895.726807,2163.339844 2889.124756,2152.065430
	C2888.002686,2150.149170 2884.787842,2149.458252 2881.105957,2148.034668
	C2881.812500,2143.073975 2883.952881,2138.280273 2887.181396,2132.743652
	C2896.736572,2132.461670 2900.878906,2138.320068 2904.396484,2144.941162
	C2912.719482,2160.608398 2924.097900,2174.563721 2930.020020,2191.621826
	C2931.457764,2195.762695 2935.118408,2199.131592 2939.002441,2203.510254
	C2937.064697,2207.835449 2933.881104,2211.505615 2929.627441,2215.770508
z"/>
<path fill="#5B73A4" opacity="1.000000" stroke="none"
	d="
M2936.166748,2244.138184
	C2935.302246,2243.984863 2934.437500,2243.831543 2932.302246,2243.307129
	C2942.326660,2237.704102 2954.079590,2240.263428 2967.053223,2241.715332
	C2965.362061,2243.073730 2962.336426,2243.614014 2956.091797,2244.087402
	C2947.303711,2244.060059 2941.735352,2244.099121 2936.166748,2244.138184
z"/>
<path fill="#2051AD" opacity="1.000000" stroke="none"
	d="
M2903.986084,2783.981934
	C2903.986084,2783.981934 2905.410645,2784.293945 2906.137695,2784.345703
	C2913.229248,2807.463867 2920.190186,2830.387207 2925.782715,2853.639648
	C2930.911377,2874.963867 2934.632080,2896.630371 2938.792480,2918.180664
	C2939.410645,2921.383057 2939.539795,2924.862549 2938.996338,2928.061035
	C2938.279541,2932.279053 2935.442139,2935.665527 2931.009521,2935.684814
	C2924.409668,2935.713623 2917.727783,2935.247559 2911.216064,2934.172119
	C2871.105225,2927.547607 2831.733643,2917.897705 2793.250244,2904.716309
	C2791.368408,2904.071533 2789.376221,2903.748047 2785.910645,2902.983398
	C2784.385986,2902.691650 2784.294434,2901.254150 2784.674805,2899.408691
	C2786.072998,2894.380371 2787.090820,2891.197754 2789.556396,2888.039551
	C2796.580811,2889.560059 2802.157471,2891.056152 2808.888184,2893.468750
	C2828.605957,2899.562012 2847.077148,2905.107178 2865.762695,2909.799072
	C2880.574951,2913.518066 2895.594238,2916.496826 2910.628662,2919.213135
	C2919.611572,2920.835938 2923.470947,2916.870850 2922.042969,2908.199707
	C2920.099365,2896.394287 2918.254395,2884.532959 2915.445557,2872.918213
	C2909.832031,2849.704346 2905.570068,2826.068848 2895.663574,2802.697266
	C2894.542725,2796.835449 2893.377441,2792.370117 2893.468994,2787.831055
	C2897.812256,2786.499023 2900.899170,2785.240479 2903.986084,2783.981934
z"/>
<path fill="#133B86" opacity="1.000000" stroke="none"
	d="
M2788.108643,2888.014893
	C2787.090820,2891.197754 2786.072998,2894.380371 2784.499512,2898.709961
	C2781.990479,2899.472900 2780.037109,2899.088867 2776.349365,2897.533203
	C2773.886475,2895.969238 2773.111084,2895.821289 2772.289062,2895.917480
	C2770.683594,2895.753418 2769.078369,2895.589111 2766.265625,2895.336182
	C2756.383057,2891.474609 2747.707764,2887.701904 2737.614502,2883.650635
	C2736.196533,2883.372314 2736.216309,2881.679199 2737.479492,2880.578125
	C2743.288818,2878.376221 2744.001221,2874.622803 2745.959961,2871.087646
	C2748.920654,2871.378418 2750.624268,2871.443359 2753.354736,2872.396484
	C2763.012207,2876.630615 2771.642578,2879.977051 2781.307861,2883.822510
	C2784.264648,2885.552979 2786.186768,2886.783936 2788.108643,2888.014893
z"/>
<path fill="#2051AD" opacity="1.000000" stroke="none"
	d="
M2772.668701,2896.490967
	C2773.111084,2895.821289 2773.886475,2895.969238 2775.092285,2896.711426
	C2775.569092,2897.061768 2774.309326,2897.591064 2774.309326,2897.591064
	C2774.309326,2897.591064 2773.048340,2897.064453 2772.668701,2896.490967
z"/>
<path fill="#133B86" opacity="1.000000" stroke="none"
	d="
M2903.879395,2782.521973
	C2900.899170,2785.240479 2897.812256,2786.499023 2892.768311,2786.718262
	C2888.746338,2781.842041 2886.681641,2778.004883 2884.634766,2772.857910
	C2881.733154,2765.050049 2878.813721,2758.552002 2875.909180,2750.749023
	C2875.736572,2747.715088 2875.549072,2745.985596 2876.803467,2744.060303
	C2880.498291,2742.193359 2882.751465,2740.522705 2885.877930,2739.651855
	C2888.501465,2742.981201 2890.251465,2745.510742 2892.001465,2748.040039
	C2893.657471,2752.867432 2895.313721,2757.694580 2897.926025,2763.356689
	C2900.512451,2769.815186 2902.142578,2775.438721 2903.879395,2782.521973
z"/>
<path fill="#96A1B5" opacity="1.000000" stroke="none"
	d="
M2893.213379,2747.440430
	C2890.251465,2745.510742 2888.501465,2742.981201 2885.687012,2738.415527
	C2884.169434,2733.922119 2883.716797,2731.465332 2883.943604,2727.742188
	C2891.259033,2719.194824 2896.494873,2711.070068 2900.987061,2702.244385
	C2908.088623,2688.292480 2915.866455,2674.670166 2923.825684,2661.184570
	C2925.208740,2658.841309 2928.897949,2657.859619 2931.521973,2656.249023
	C2935.816650,2660.347900 2940.111328,2664.446533 2944.896484,2669.726562
	C2937.906494,2673.965820 2935.608398,2681.135498 2932.188477,2687.449219
	C2924.372070,2701.878662 2916.878418,2716.506348 2908.439697,2730.564941
	C2904.808838,2736.614502 2899.158203,2741.452393 2893.213379,2747.440430
z"/>
<path fill="#707B8E" opacity="1.000000" stroke="none"
	d="
M2924.282471,2626.900146
	C2915.914551,2630.785400 2915.914551,2630.785400 2915.312988,2642.720459
	C2910.910156,2651.428711 2907.284912,2657.735352 2903.946289,2664.190186
	C2898.770996,2674.196777 2893.782715,2684.300293 2888.731689,2694.371094
	C2885.364258,2701.084961 2881.283691,2706.969482 2872.256592,2707.069824
	C2870.198486,2702.717041 2868.940674,2699.440430 2868.826416,2695.365723
	C2875.657715,2684.113281 2881.458496,2673.718018 2886.998779,2663.186035
	C2891.592773,2654.452637 2896.458740,2645.795898 2900.195068,2636.691162
	C2911.455322,2609.255127 2922.130371,2581.586426 2929.428467,2551.970215
	C2935.131836,2550.320801 2939.518311,2549.086426 2943.757812,2549.433594
	C2942.772461,2553.508057 2941.521973,2555.943604 2941.163330,2558.503662
	C2939.062012,2573.502197 2935.550781,2587.981201 2929.564209,2602.056885
	C2926.312256,2609.703613 2925.948975,2618.579102 2924.282471,2626.900146
z"/>
<path fill="#96A1B5" opacity="1.000000" stroke="none"
	d="
M2960.197510,2627.158203
	C2954.655029,2627.368408 2949.112549,2627.578857 2941.856201,2625.917236
	C2942.193604,2615.882080 2943.264160,2607.303711 2946.504150,2599.643555
	C2952.905273,2584.509521 2954.088867,2568.042969 2959.638184,2552.732178
	C2960.672607,2549.877930 2959.584961,2546.254395 2960.512207,2542.117676
	C2967.571045,2539.260010 2973.594727,2537.270752 2979.728027,2536.981934
	C2979.743896,2541.328369 2980.121094,2544.094238 2979.481934,2546.600830
	C2974.270752,2567.038086 2969.143066,2587.504883 2963.368164,2607.785645
	C2961.536621,2614.218262 2959.459717,2620.397461 2960.197510,2627.158203
z"/>
<path fill="#AEB9CD" opacity="1.000000" stroke="none"
	d="
M2961.752930,2627.415527
	C2959.459717,2620.397461 2961.536621,2614.218262 2963.368164,2607.785645
	C2969.143066,2587.504883 2974.270752,2567.038086 2979.481934,2546.600830
	C2980.121094,2544.094238 2979.743896,2541.328369 2980.322266,2536.218750
	C2981.900146,2533.063477 2982.929688,2532.287109 2985.255127,2531.293457
	C2990.929199,2529.816406 2995.242920,2528.471924 2999.556885,2527.127686
	C2997.987549,2550.243652 2991.768799,2572.357422 2984.982666,2594.337402
	C2982.258057,2603.163330 2979.271729,2611.907959 2976.226318,2622.156006
	C2976.047852,2623.622314 2975.929932,2625.381104 2975.907227,2626.261719
	C2971.692627,2627.319092 2967.500244,2627.495850 2961.752930,2627.415527
z"/>
<path fill="#808B9E" opacity="1.000000" stroke="none"
	d="
M2873.057129,2708.145996
	C2881.283691,2706.969482 2885.364258,2701.084961 2888.731689,2694.371094
	C2893.782715,2684.300293 2898.770996,2674.196777 2903.946289,2664.190186
	C2907.284912,2657.735352 2910.910156,2651.428711 2915.606934,2644.221191
	C2921.410400,2646.897705 2926.013916,2650.408691 2931.069824,2655.084473
	C2928.897949,2657.859619 2925.208740,2658.841309 2923.825684,2661.184570
	C2915.866455,2674.670166 2908.088623,2688.292480 2900.987061,2702.244385
	C2896.494873,2711.070068 2891.259033,2719.194824 2882.959229,2726.834473
	C2879.194824,2720.564697 2872.166016,2716.068115 2873.057129,2708.145996
z"/>
<path fill="#808B9E" opacity="1.000000" stroke="none"
	d="
M2959.476562,2542.986084
	C2959.584961,2546.254395 2960.672607,2549.877930 2959.638184,2552.732178
	C2954.088867,2568.042969 2952.905273,2584.509521 2946.504150,2599.643555
	C2943.264160,2607.303711 2942.193604,2615.882080 2940.220703,2625.583740
	C2936.010254,2627.284668 2931.721191,2627.446777 2925.857422,2627.254395
	C2925.948975,2618.579102 2926.312256,2609.703613 2929.564209,2602.056885
	C2935.550781,2587.981201 2939.062012,2573.502197 2941.163330,2558.503662
	C2941.521973,2555.943604 2942.772461,2553.508057 2943.956787,2548.796875
	C2944.302734,2546.578613 2944.597412,2545.277344 2946.090332,2545.074707
	C2951.547607,2544.243408 2955.511963,2543.614746 2959.476562,2542.986084
z"/>
<path fill="#123E92" opacity="1.000000" stroke="none"
	d="
M1879.619629,2342.042480
	C1883.213135,2340.692139 1885.849609,2340.186035 1891.126709,2340.436523
	C1897.307495,2347.237061 1902.545166,2348.815430 1909.094360,2347.090332
	C1912.898438,2346.088135 1916.694946,2344.600586 1920.557007,2344.369141
	C1929.043457,2343.860596 1934.180176,2351.760986 1929.757568,2359.174805
	C1919.778076,2375.902832 1915.563354,2394.406006 1910.778687,2412.958008
	C1908.046509,2423.551270 1906.973633,2434.105713 1908.573730,2444.356445
	C1911.723145,2464.531494 1916.169434,2484.556396 1925.460815,2503.095215
	C1927.774536,2507.711914 1929.469238,2512.638916 1931.324707,2517.124023
	C1921.472534,2530.323486 1909.932983,2520.085938 1899.989990,2520.841309
	C1898.784302,2522.173828 1897.428955,2523.006592 1897.155640,2524.108154
	C1896.527710,2526.638428 1896.427002,2529.299561 1894.707764,2531.911621
	C1888.847900,2530.684082 1884.392700,2529.452393 1879.937500,2528.220703
	C1874.251709,2525.424805 1868.565796,2522.628906 1861.514893,2519.775879
	C1859.598511,2518.518555 1858.735352,2517.617188 1856.797852,2515.079590
	C1856.002319,2509.465576 1856.459229,2505.997559 1861.404053,2504.039551
	C1867.160889,2505.435791 1871.546387,2506.666504 1877.340332,2508.537109
	C1883.659546,2511.819336 1888.613525,2513.113525 1894.907837,2508.878662
	C1896.602783,2501.346436 1897.500244,2492.447998 1895.025146,2484.374756
	C1891.802979,2473.864502 1892.098877,2463.421143 1892.024780,2452.841309
	C1891.940796,2440.875732 1891.916992,2428.908203 1892.036133,2416.943115
	C1892.147949,2405.709717 1891.732422,2394.604248 1895.023071,2383.410156
	C1897.372070,2375.419922 1897.369629,2366.405762 1893.955811,2357.715332
	C1885.252197,2355.717285 1878.470825,2359.321289 1870.586914,2364.094238
	C1864.807129,2365.479004 1860.403564,2366.721924 1855.993652,2366.368164
	C1855.854736,2361.582520 1855.722046,2358.393555 1855.589355,2355.204590
	C1856.497070,2354.230957 1857.404785,2353.257080 1859.082764,2351.616211
	C1866.122925,2348.261230 1872.392700,2345.573730 1879.619629,2342.042480
z"/>
<path fill="#174BAC" opacity="1.000000" stroke="none"
	d="
M1854.159424,2355.399658
	C1855.722046,2358.393555 1855.854736,2361.582520 1855.991577,2367.377197
	C1855.995483,2370.655273 1855.995239,2371.327637 1854.560791,2372.169434
	C1851.265259,2373.000977 1849.327026,2373.501953 1847.554321,2374.349121
	C1817.036621,2388.937012 1789.326904,2408.087891 1761.653320,2427.294678
	C1760.573120,2428.044434 1759.375488,2428.708496 1758.505615,2429.661621
	C1755.969360,2432.441162 1755.754883,2435.618408 1757.842163,2438.672119
	C1758.928467,2440.261475 1760.439209,2441.687500 1762.036255,2442.781738
	C1788.181030,2460.693115 1814.796875,2477.863037 1842.634644,2493.051758
	C1845.451782,2494.588867 1848.856445,2495.049316 1852.601685,2496.980957
	C1855.487671,2499.925781 1857.760254,2501.899902 1860.032837,2503.873779
	C1856.459229,2505.997559 1856.002319,2509.465576 1856.050537,2514.492676
	C1847.132080,2511.625244 1838.015503,2507.754395 1829.297974,2503.131104
	C1799.890137,2487.533936 1772.276367,2469.082031 1745.454346,2449.434814
	C1740.721924,2445.968262 1736.487793,2441.821533 1731.223389,2437.301758
	C1733.815308,2433.275635 1735.279907,2429.465576 1737.998413,2427.091309
	C1743.985718,2421.862549 1750.509033,2417.223389 1756.984497,2412.582031
	C1787.277466,2390.868896 1818.937134,2371.436279 1854.159424,2355.399658
z"/>
<path fill="#A8B4C8" opacity="1.000000" stroke="none"
	d="
M1879.969604,2529.829102
	C1884.392700,2529.452393 1888.847900,2530.684082 1895.626221,2532.592773
	C1899.913696,2534.452393 1901.877930,2535.635498 1903.854492,2538.454102
	C1906.308350,2563.566406 1912.819824,2586.107910 1920.392700,2608.299805
	C1922.561768,2614.656494 1924.398926,2620.662598 1923.742432,2627.328125
	C1918.130249,2627.426758 1912.517944,2627.525391 1905.280762,2627.155762
	C1902.724976,2622.225586 1902.387817,2617.533691 1900.764526,2613.339844
	C1892.185913,2591.175781 1887.435913,2568.088379 1883.420410,2544.784912
	C1882.642944,2540.273193 1881.159546,2535.883301 1879.969604,2529.829102
z"/>
<path fill="#707B8E" opacity="1.000000" stroke="none"
	d="
M1959.254395,2643.499512
	C1964.433716,2631.742676 1963.792358,2630.603027 1949.045898,2625.746338
	C1947.644531,2621.293945 1947.982056,2618.564697 1947.291016,2616.126465
	C1943.394653,2602.381104 1939.009766,2588.771240 1935.276367,2574.983887
	C1932.751343,2565.658447 1931.025146,2556.116699 1930.409424,2546.878906
	C1935.808105,2547.701660 1939.738770,2548.317139 1944.399536,2549.744873
	C1947.578613,2552.116455 1950.027710,2553.675781 1952.360107,2556.867920
	C1960.043335,2602.775879 1979.953979,2642.269531 2000.786133,2681.395996
	C2003.194336,2685.919189 2007.159790,2687.941162 2011.972168,2689.414062
	C2009.202393,2695.166992 2006.637695,2699.613525 2002.659546,2703.921387
	C1993.331421,2701.743408 1989.729858,2695.454590 1986.425537,2688.826172
	C1980.810181,2677.561768 1975.060425,2666.363525 1969.523315,2655.061035
	C1967.144409,2650.205078 1964.607300,2645.643066 1959.254395,2643.499512
z"/>
<path fill="#8D98AB" opacity="1.000000" stroke="none"
	d="
M1928.941650,2546.671875
	C1931.025146,2556.116699 1932.751343,2565.658447 1935.276367,2574.983887
	C1939.009766,2588.771240 1943.394653,2602.381104 1947.291016,2616.126465
	C1947.982056,2618.564697 1947.644531,2621.293945 1947.632324,2625.417236
	C1940.693970,2627.289062 1933.905518,2627.632812 1925.429688,2627.652344
	C1924.398926,2620.662598 1922.561768,2614.656494 1920.392700,2608.299805
	C1912.819824,2586.107910 1906.308350,2563.566406 1905.221069,2538.515381
	C1914.030762,2540.184570 1921.486206,2543.428223 1928.941650,2546.671875
z"/>
<path fill="#96A1B5" opacity="1.000000" stroke="none"
	d="
M1985.635376,2744.621582
	C1979.122803,2742.243164 1974.945801,2737.454834 1971.788330,2731.488525
	C1962.403809,2713.754395 1949.592896,2697.940430 1942.657471,2678.768311
	C1941.585327,2675.804932 1936.903687,2674.146973 1932.380249,2671.543457
	C1935.487549,2666.246826 1940.105957,2661.291748 1947.083008,2656.394531
	C1955.910156,2660.746582 1957.581299,2668.169434 1961.147339,2674.362793
	C1971.612549,2692.538086 1982.115234,2710.691895 1992.431152,2730.203857
	C1990.923096,2735.937744 1989.587158,2740.322021 1987.595337,2744.739258
	C1986.939575,2744.772705 1985.635376,2744.621582 1985.635376,2744.621582
z"/>
<path fill="#808B9E" opacity="1.000000" stroke="none"
	d="
M1992.603271,2728.854004
	C1982.115234,2710.691895 1971.612549,2692.538086 1961.147339,2674.362793
	C1957.581299,2668.169434 1955.910156,2660.746582 1948.136230,2655.676270
	C1950.272217,2651.500000 1953.713623,2648.099365 1958.204834,2644.099121
	C1964.607300,2645.643066 1967.144409,2650.205078 1969.523315,2655.061035
	C1975.060425,2666.363525 1980.810181,2677.561768 1986.425537,2688.826172
	C1989.729858,2695.454590 1993.331421,2701.743408 2002.494141,2705.303711
	C2000.028931,2714.167969 1996.316040,2721.510986 1992.603271,2728.854004
z"/>
<path fill="#2051AD" opacity="1.000000" stroke="none"
	d="
M1971.198730,2781.594238
	C1972.095093,2779.094971 1972.937988,2778.054443 1976.230103,2776.530273
	C1981.904663,2776.093506 1985.129761,2776.140381 1988.286621,2777.578125
	C1987.727905,2781.710449 1987.237549,2784.451904 1985.962036,2788.231445
	C1983.660767,2794.229248 1982.144531,2799.188721 1979.906250,2805.472168
	C1967.470947,2839.486328 1960.177856,2873.290283 1954.002563,2907.361816
	C1952.143433,2917.618896 1955.518799,2920.659180 1966.137939,2918.682617
	C1979.222290,2916.246582 1992.408569,2914.183838 2005.313843,2910.999512
	C2026.551147,2905.759277 2048.334473,2902.263184 2069.700684,2892.646484
	C2075.333008,2890.977051 2079.586182,2889.343262 2085.228027,2887.694336
	C2091.025146,2886.451904 2095.433350,2885.225098 2099.852295,2885.573486
	C2100.002441,2890.294922 2100.141602,2893.440674 2100.280762,2896.586670
	C2097.662842,2898.146973 2095.044678,2899.707275 2091.633301,2902.132324
	C2083.813232,2905.011475 2076.688965,2906.737305 2069.776611,2909.087891
	C2033.106079,2921.558105 1995.132080,2928.460693 1957.172241,2935.283691
	C1938.771606,2938.590820 1934.947632,2933.787109 1937.946411,2914.423340
	C1944.890503,2869.583740 1956.429810,2825.920654 1971.198730,2781.594238
z"/>
<path fill="#0D3075" opacity="1.000000" stroke="none"
	d="
M2101.672852,2896.378906
	C2100.141602,2893.440674 2100.002441,2890.294922 2100.818359,2884.766357
	C2105.310791,2880.400635 2108.847900,2878.417480 2113.812500,2876.244629
	C2128.359619,2870.098877 2141.479248,2864.142334 2155.030762,2859.616699
	C2156.447266,2865.612549 2159.637451,2867.470459 2163.943848,2867.958740
	C2163.943848,2867.958740 2163.784424,2869.559082 2163.765869,2870.358887
	C2159.019775,2873.045654 2154.292480,2874.932861 2148.741699,2877.753418
	C2138.838867,2881.974609 2128.795654,2882.743652 2120.014160,2890.191895
	C2113.797363,2892.956787 2108.430908,2894.563965 2101.672852,2896.378906
z"/>
<path fill="#133B86" opacity="1.000000" stroke="none"
	d="
M1988.354980,2776.187256
	C1985.129761,2776.140381 1981.904663,2776.093506 1977.067505,2775.975342
	C1975.977539,2772.993408 1976.499512,2770.082520 1977.313232,2765.718262
	C1980.039551,2758.589111 1982.473999,2752.913818 1985.271851,2745.929932
	C1985.635376,2744.621582 1986.939575,2744.772705 1987.802979,2745.990723
	C1989.774170,2751.343262 1993.165649,2751.815918 1996.451904,2753.462158
	C1995.483276,2758.000000 1994.691406,2761.250244 1993.436401,2765.727051
	C1991.433838,2770.031494 1989.894409,2773.109375 1988.354980,2776.187256
z"/>
<path fill="#1B4EAE" opacity="1.000000" stroke="none"
	d="
M2523.331055,1858.915771
	C2524.211914,1860.569580 2524.086670,1861.262695 2522.266602,1862.997192
	C2517.579590,1863.972046 2514.588135,1863.905518 2510.522705,1863.312988
	C2506.342529,1859.184814 2503.235840,1855.582642 2499.938965,1850.543945
	C2482.340332,1808.732788 2451.354004,1761.167969 2436.030762,1752.187744
	C2430.202637,1758.928345 2424.046875,1765.600220 2419.253174,1773.513794
	C2404.881348,1797.237915 2390.288574,1820.828857 2376.025146,1844.617432
	C2374.049316,1847.912598 2373.443359,1852.029175 2371.728760,1856.676636
	C2370.169434,1858.385254 2369.084717,1859.182983 2366.288330,1859.953491
	C2361.168701,1859.616821 2357.760498,1859.307495 2354.352539,1858.998047
	C2363.358887,1841.312012 2371.507080,1823.118286 2381.592773,1806.070923
	C2393.740723,1785.536987 2407.487061,1765.945190 2420.656982,1746.022095
	C2423.211182,1742.157959 2426.067139,1738.435669 2429.186768,1735.015381
	C2434.895996,1728.755615 2440.737305,1728.484863 2446.166992,1734.535034
	C2450.584229,1739.456543 2454.461426,1744.890625 2458.318604,1750.282715
	C2482.696289,1784.361206 2503.841797,1820.368774 2523.331055,1858.915771
z"/>
<path fill="#103C8D" opacity="1.000000" stroke="none"
	d="
M2353.733887,1859.109253
	C2357.760498,1859.307495 2361.168701,1859.616821 2366.131592,1861.334229
	C2366.403076,1867.158325 2365.119873,1871.574585 2362.689941,1876.917480
	C2356.721436,1885.347412 2353.702881,1893.071899 2358.743408,1902.928345
	C2362.352295,1903.172241 2366.613525,1904.652710 2369.932861,1903.476074
	C2383.500488,1898.666626 2397.432373,1900.145874 2411.264893,1900.046143
	C2434.469727,1899.878906 2457.677734,1899.900879 2480.882568,1900.071289
	C2486.792969,1900.114746 2492.705322,1900.937622 2498.602295,1901.543335
	C2505.788330,1902.281250 2512.959229,1903.167847 2521.317871,1904.072754
	C2524.342529,1905.449097 2526.186035,1906.742920 2528.041016,1909.016724
	C2528.052490,1909.996582 2528.044434,1911.956177 2527.769531,1913.378906
	C2524.754395,1921.529053 2519.073486,1920.774536 2514.385254,1918.683228
	C2507.658447,1915.682861 2501.865479,1916.454834 2494.388916,1920.000488
	C2484.647949,1917.457642 2476.502930,1914.877075 2468.295166,1912.513550
	C2462.612793,1910.877319 2456.916748,1908.730469 2451.101318,1908.208862
	C2424.987549,1905.866821 2399.818604,1909.355103 2376.313965,1921.787231
	C2371.062012,1924.565063 2365.721191,1927.196411 2360.298340,1929.620605
	C2357.942383,1930.673950 2355.311768,1931.280151 2352.742432,1931.654175
	C2347.724854,1932.384399 2343.862549,1928.447632 2344.372070,1923.265015
	C2344.563477,1921.316772 2344.616699,1919.141968 2345.525635,1917.512695
	C2350.835449,1907.995483 2346.098633,1901.301147 2339.569336,1895.011108
	C2339.569336,1895.011108 2339.213867,1893.358765 2338.920410,1892.565186
	C2340.375732,1887.440674 2342.124512,1883.109497 2343.927734,1877.367432
	C2346.603271,1871.382812 2349.225098,1866.809448 2351.871582,1860.881592
	C2351.896484,1859.527222 2353.115479,1859.220337 2353.733887,1859.109253
z"/>
<path fill="#0E3580" opacity="1.000000" stroke="none"
	d="
M2528.029297,1908.036865
	C2526.186035,1906.742920 2524.342529,1905.449097 2521.289551,1902.497314
	C2520.308594,1891.663330 2519.978027,1882.660522 2512.280762,1874.406494
	C2511.999512,1869.878662 2511.797852,1866.858887 2511.596436,1863.838989
	C2514.588135,1863.905518 2517.579590,1863.972046 2522.066406,1864.034668
	C2524.884766,1866.000122 2526.207764,1867.969482 2528.240723,1870.889893
	C2531.528809,1878.174683 2534.106934,1884.508423 2537.391357,1891.905029
	C2538.724121,1895.704346 2539.350342,1898.440796 2538.700928,1902.695312
	C2534.293213,1905.487671 2531.161377,1906.762207 2528.029297,1908.036865
z"/>
<path fill="#123E92" opacity="1.000000" stroke="none"
	d="
M3000.475098,2526.206543
	C2995.242920,2528.471924 2990.929199,2529.816406 2985.229004,2529.824951
	C2983.677734,2523.016113 2981.455078,2519.442139 2975.425293,2520.958008
	C2969.768555,2522.380371 2964.364258,2524.808594 2958.707275,2526.229248
	C2955.924805,2526.928223 2952.821533,2526.350586 2948.719971,2526.350586
	C2948.415527,2516.635986 2948.153564,2508.275391 2947.928223,2498.929443
	C2947.964600,2497.944092 2948.034180,2495.973389 2948.657227,2494.684082
	C2952.954590,2484.276367 2956.748291,2475.203613 2960.276611,2466.028809
	C2966.407227,2450.086426 2963.103271,2433.365967 2964.198975,2416.999512
	C2965.254150,2401.238770 2959.306396,2387.267090 2954.016846,2373.113525
	C2953.207764,2370.948730 2950.292236,2369.570801 2948.178223,2366.567383
	C2946.656738,2362.206055 2945.307861,2359.106689 2944.176270,2354.528809
	C2947.038574,2343.912109 2954.325439,2342.045898 2961.309082,2345.326660
	C2971.684326,2350.201660 2978.508057,2345.902344 2985.455322,2339.487549
	C2989.513184,2340.714600 2993.571045,2341.941650 2998.915771,2343.232666
	C3004.679932,2345.707520 3009.156982,2348.117920 3014.897461,2350.627441
	C3016.806396,2351.276123 3017.451904,2351.825928 3018.982666,2354.681152
	C3019.915527,2360.651611 3019.963135,2364.315918 3018.418457,2367.944336
	C3012.589600,2367.761230 3008.353027,2367.614014 3003.820312,2366.056152
	C2997.750488,2358.579590 2990.782715,2356.272705 2981.973877,2357.474121
	C2981.292725,2360.324951 2980.349854,2362.787842 2980.192383,2365.300293
	C2979.987061,2368.573730 2979.570801,2372.209717 2980.700684,2375.125244
	C2985.166504,2386.646729 2983.883057,2398.580322 2983.964600,2410.409424
	C2984.096680,2429.588867 2984.050537,2448.770264 2983.974609,2467.950439
	C2983.938232,2477.158447 2984.327148,2486.276855 2981.104736,2495.357666
	C2979.003174,2501.279785 2978.509766,2508.131836 2982.887695,2514.682617
	C2992.287598,2512.671387 3001.339111,2511.350586 3009.416992,2504.090820
	C3012.490234,2503.978760 3014.246826,2503.916260 3017.028320,2504.649658
	C3018.660645,2508.789795 3019.268311,2512.134033 3019.875732,2515.478271
	C3018.993164,2516.453857 3018.012207,2517.317871 3016.395752,2518.892090
	C3011.037109,2521.571289 3006.215332,2523.428467 3000.475098,2526.206543
z"/>
<path fill="#1B4EAE" opacity="1.000000" stroke="none"
	d="
M3021.265869,2515.301270
	C3019.268311,2512.134033 3018.660645,2508.789795 3017.651123,2503.693848
	C3019.506592,2499.964600 3021.764160,2497.987305 3025.318848,2495.421631
	C3032.144531,2492.630615 3038.058838,2491.084961 3043.132324,2488.107178
	C3061.427734,2477.369385 3079.669189,2466.502197 3097.460449,2454.958740
	C3106.230957,2449.267822 3113.802246,2441.835449 3119.510010,2432.509766
	C3117.505859,2430.382324 3116.407959,2428.716797 3114.883545,2427.676270
	C3099.540527,2417.203369 3084.633301,2405.954834 3068.576172,2396.708740
	C3055.467041,2389.159912 3043.624512,2378.800537 3027.467773,2374.835938
	C3024.546143,2371.920898 3022.278320,2369.950684 3020.010742,2367.980469
	C3019.963135,2364.315918 3019.915527,2360.651611 3019.840088,2355.620605
	C3034.622070,2361.743896 3049.939453,2368.389648 3064.124023,2376.918945
	C3085.791748,2389.947998 3106.708252,2404.230713 3127.866943,2418.098877
	C3131.749512,2420.643799 3135.514160,2423.482422 3138.894775,2426.653320
	C3144.359619,2431.778564 3144.546387,2437.154541 3139.287354,2442.261963
	C3135.490723,2445.948730 3131.154297,2449.119873 3126.859131,2452.246582
	C3093.940186,2476.208252 3059.325684,2497.372559 3021.265869,2515.301270
z"/>
<path fill="#D6E2F8" opacity="1.000000" stroke="none"
	d="
M1980.067993,2063.974121
	C1970.232178,2042.025024 1965.909180,2018.474365 1960.461060,1995.287964
	C1957.291748,1981.799683 1955.371216,1968.018066 1952.944336,1954.673828
	C1961.040527,1947.711060 1969.273071,1951.440186 1976.485229,1952.996216
	C2001.094482,1958.305786 2025.482544,1964.651123 2049.914062,1970.765503
	C2055.042725,1972.048950 2059.996338,1974.031128 2066.275635,1977.613403
	C2066.661621,1981.294678 2066.191650,1983.439575 2064.886230,1984.756348
	C2040.193481,2009.662231 2015.487061,2034.556641 1990.503052,2059.168701
	C1987.937134,2061.696533 1983.589111,2062.415771 1980.067993,2063.974121
z"/>
<path fill="#A3AEC3" opacity="1.000000" stroke="none"
	d="
M1996.093384,2107.956787
	C1993.290161,2102.212891 1990.486938,2096.468994 1987.102783,2089.442871
	C1986.521973,2088.160645 1986.875854,2086.393555 1988.376221,2085.245117
	C1993.184692,2082.078613 1997.689453,2080.842285 1999.603149,2077.913086
	C2010.556030,2061.147705 2025.905884,2048.536377 2039.693726,2034.485840
	C2050.254150,2023.724365 2060.494629,2012.677490 2073.222900,2004.041260
	C2079.892334,1999.516235 2087.517334,1994.027710 2088.029297,1984.148926
	C2093.945068,1986.280273 2099.860840,1988.411621 2106.955566,1992.706543
	C2108.623535,2003.363403 2102.973145,2008.709961 2097.017334,2012.454468
	C2083.929688,2020.683105 2073.909180,2032.079346 2063.372070,2042.895996
	C2046.847900,2059.857910 2028.553223,2075.120117 2014.788940,2094.800049
	C2010.516479,2100.908691 2005.394409,2107.986084 1996.093384,2107.956787
z"/>
<path fill="#BFCBDF" opacity="1.000000" stroke="none"
	d="
M2087.270752,1983.599976
	C2087.517334,1994.027710 2079.892334,1999.516235 2073.222900,2004.041260
	C2060.494629,2012.677490 2050.254150,2023.724365 2039.693726,2034.485840
	C2025.905884,2048.536377 2010.556030,2061.147705 1999.603149,2077.913086
	C1997.689453,2080.842285 1993.184692,2082.078613 1988.404297,2084.344482
	C1984.630615,2078.652832 1982.329102,2072.713623 1980.047852,2065.374023
	C1983.589111,2062.415771 1987.937134,2061.696533 1990.503052,2059.168701
	C2015.487061,2034.556641 2040.193481,2009.662231 2064.886230,1984.756348
	C2066.191650,1983.439575 2066.661621,1981.294678 2067.680176,1978.227295
	C2072.237305,1978.103516 2076.635010,1979.287720 2082.413086,1980.498901
	C2084.487793,1981.595947 2085.393799,1982.437622 2087.270752,1983.599976
z"/>
<path fill="#808B9E" opacity="1.000000" stroke="none"
	d="
M1996.154175,2109.390137
	C2005.394409,2107.986084 2010.516479,2100.908691 2014.788940,2094.800049
	C2028.553223,2075.120117 2046.847900,2059.857910 2063.372070,2042.895996
	C2073.909180,2032.079346 2083.929688,2020.683105 2097.017334,2012.454468
	C2102.973145,2008.709961 2108.623535,2003.363403 2108.137451,1993.383301
	C2113.942383,1994.055664 2119.744141,1996.214722 2128.040283,1999.402954
	C2137.532959,2004.216675 2144.555176,2007.958740 2151.518311,2011.807007
	C2154.211914,2013.295532 2157.716064,2014.363525 2156.438721,2018.753540
	C2149.974854,2020.284302 2143.604736,2022.173828 2137.101074,2023.262695
	C2115.684082,2026.847778 2096.423096,2035.606323 2079.381104,2048.634033
	C2054.449463,2067.693848 2036.342529,2091.621094 2029.729492,2124.575684
	C2027.806885,2129.576904 2026.595337,2133.361084 2025.671997,2137.214355
	C2024.904907,2140.415771 2024.751709,2143.779541 2023.823242,2146.922363
	C2022.848389,2150.223145 2025.760376,2155.083984 2018.761108,2157.114990
	C2016.393799,2152.883545 2013.898071,2148.422363 2011.402466,2143.961182
	C2006.339966,2132.915283 2001.277466,2121.869141 1996.154175,2109.390137
z"/>
<path fill="#0F2D6A" opacity="1.000000" stroke="none"
	d="
M2030.565308,2123.388672
	C2036.342529,2091.621094 2054.449463,2067.693848 2079.381104,2048.634033
	C2096.423096,2035.606323 2115.684082,2026.847778 2137.101074,2023.262695
	C2143.604736,2022.173828 2149.974854,2020.284302 2156.438721,2018.753540
	C2157.716064,2014.363525 2154.211914,2013.295532 2151.518311,2011.807007
	C2144.555176,2007.958740 2137.532959,2004.216675 2129.345215,1999.644043
	C2129.041016,1995.426392 2129.926025,1991.996704 2131.926270,1987.721191
	C2138.399658,1988.618896 2143.757568,1990.362671 2150.507568,1992.386108
	C2156.362061,1995.135132 2160.824219,1997.604614 2166.575195,2000.332275
	C2171.122559,2002.895996 2174.381104,2005.201172 2178.885742,2008.533936
	C2180.131348,2009.561401 2180.134033,2011.269043 2179.988770,2012.619629
	C2178.100342,2017.155884 2176.682861,2020.584473 2174.534180,2023.468140
	C2171.621582,2027.376831 2173.281494,2030.274414 2174.041992,2033.882568
	C2169.052246,2034.615601 2165.762939,2034.765625 2162.472900,2034.886963
	C2108.399414,2036.879883 2070.718506,2063.296143 2047.895264,2111.818115
	C2045.938721,2115.977783 2044.161987,2120.221924 2040.347534,2124.282471
	C2035.784058,2123.888184 2033.174683,2123.638428 2030.565308,2123.388672
z"/>
<path fill="#0C2964" opacity="1.000000" stroke="none"
	d="
M1930.409424,2546.878906
	C1921.486206,2543.428223 1914.030762,2540.184570 1905.208740,2536.879395
	C1901.877930,2535.635498 1899.913696,2534.452393 1897.031006,2532.588379
	C1896.427002,2529.299561 1896.527710,2526.638428 1897.155640,2524.108154
	C1897.428955,2523.006592 1898.784302,2522.173828 1899.989990,2520.841309
	C1909.932983,2520.085938 1921.472534,2530.323486 1931.324707,2517.124023
	C1929.469238,2512.638916 1927.774536,2507.711914 1925.460815,2503.095215
	C1916.169434,2484.556396 1911.723145,2464.531494 1908.573730,2444.356445
	C1906.973633,2434.105713 1908.046509,2423.551270 1910.778687,2412.958008
	C1915.563354,2394.406006 1919.778076,2375.902832 1929.757568,2359.174805
	C1934.180176,2351.760986 1929.043457,2343.860596 1920.557007,2344.369141
	C1916.694946,2344.600586 1912.898438,2346.088135 1909.094360,2347.090332
	C1902.545166,2348.815430 1897.307495,2347.237061 1892.471313,2340.424805
	C1893.796753,2338.064941 1896.418091,2336.473633 1899.910156,2334.111816
	C1910.710449,2329.848633 1920.640015,2326.355957 1931.725098,2322.070801
	C1939.534790,2319.541748 1946.188843,2317.805176 1955.359131,2315.897461
	C1958.615234,2315.862793 1959.355225,2315.999512 1960.073364,2317.755859
	C1960.076416,2321.854248 1960.185791,2324.335938 1960.109619,2326.812012
	C1959.919189,2333.010254 1963.428101,2335.702881 1968.475586,2337.700684
	C1961.394775,2346.420898 1954.218872,2353.419189 1948.521606,2361.464600
	C1923.574707,2396.693604 1916.558838,2434.973145 1931.479980,2476.066162
	C1935.500977,2487.140381 1941.711548,2497.419678 1945.525146,2508.454102
	C1939.055786,2511.652100 1939.248901,2516.480957 1940.954468,2520.567871
	C1944.832397,2529.859131 1943.999390,2539.368652 1943.669556,2548.932617
	C1939.738770,2548.317139 1935.808105,2547.701660 1930.409424,2546.878906
z"/>
<path fill="#5B6477" opacity="1.000000" stroke="none"
	d="
M1960.095215,2316.136475
	C1959.355225,2315.999512 1958.615234,2315.862793 1956.779541,2315.441406
	C1954.825684,2298.331787 1960.000488,2283.113037 1965.589355,2267.346680
	C1972.223999,2248.630371 1981.038452,2230.996582 1988.622070,2212.792969
	C1993.126343,2201.980713 2000.156128,2192.211670 2006.208496,2182.068115
	C2006.763550,2181.137939 2008.468994,2180.894287 2012.100830,2181.002197
	C2016.549194,2187.738037 2018.536865,2193.803467 2019.084717,2200.085449
	C2015.012695,2203.043213 2011.357300,2205.330322 2009.909058,2208.596191
	C1998.174927,2235.059082 1986.978638,2261.760254 1975.330688,2288.262451
	C1972.008301,2295.821777 1971.959961,2303.616455 1970.602783,2311.836426
	C1966.282227,2313.479248 1963.188721,2314.807861 1960.095215,2316.136475
z"/>
<path fill="#0A204E" opacity="1.000000" stroke="none"
	d="
M2020.524536,2199.868652
	C2018.536865,2193.803467 2016.549194,2187.738037 2013.513306,2180.824219
	C2009.073853,2172.480957 2005.682739,2164.986328 2001.168945,2156.742920
	C1999.832275,2154.427734 1999.618164,2152.861084 1999.198730,2150.130127
	C2001.160034,2145.320801 2004.481323,2143.929443 2009.990967,2144.007812
	C2013.898071,2148.422363 2016.393799,2152.883545 2018.761108,2157.114990
	C2025.760376,2155.083984 2022.848389,2150.223145 2023.823242,2146.922363
	C2024.751709,2143.779541 2024.904907,2140.415771 2025.671997,2137.214355
	C2026.595337,2133.361084 2027.806885,2129.576904 2029.729492,2124.575684
	C2033.174683,2123.638428 2035.784058,2123.888184 2039.983887,2125.947754
	C2036.375122,2147.685791 2036.208740,2167.835938 2037.537109,2188.137939
	C2028.294312,2188.170166 2024.513306,2192.366455 2023.172607,2199.908691
	C2022.290894,2199.848389 2020.524536,2199.868652 2020.524536,2199.868652
z"/>
<path fill="#0C2964" opacity="1.000000" stroke="none"
	d="
M2528.041016,1909.016724
	C2531.161377,1906.762207 2534.293213,1905.487671 2538.695801,1904.101318
	C2541.258545,1905.895996 2542.550537,1907.802368 2544.376953,1910.751221
	C2546.434326,1916.687378 2547.957520,1921.580933 2550.305176,1927.449219
	C2552.275879,1932.812744 2553.422119,1937.201782 2555.195312,1944.309570
	C2557.028320,1952.766357 2558.233887,1958.504272 2557.625977,1964.152344
	C2549.645752,1964.213989 2543.479004,1964.365601 2536.023438,1964.493896
	C2530.838379,1960.873779 2527.063965,1957.133301 2523.026123,1953.702759
	C2490.138916,1925.763306 2453.066895,1913.551514 2410.127441,1924.196899
	C2391.135010,1928.905518 2374.307861,1937.993408 2358.732422,1949.801270
	C2353.645508,1953.657715 2350.130859,1960.150146 2340.742432,1960.377319
	C2332.316406,1959.982666 2325.840820,1959.780762 2319.391602,1958.248779
	C2319.307861,1955.151245 2319.197998,1953.383911 2319.087891,1951.616455
	C2320.755859,1946.048096 2322.423584,1940.479858 2324.063965,1933.448242
	C2326.389893,1926.164185 2328.742920,1920.343384 2331.188965,1913.175781
	C2333.366455,1906.822266 2335.450928,1901.815430 2338.552246,1895.909912
	C2346.098633,1901.301147 2350.835449,1907.995483 2345.525635,1917.512695
	C2344.616699,1919.141968 2344.563477,1921.316772 2344.372070,1923.265015
	C2343.862549,1928.447632 2347.724854,1932.384399 2352.742432,1931.654175
	C2355.311768,1931.280151 2357.942383,1930.673950 2360.298340,1929.620605
	C2365.721191,1927.196411 2371.062012,1924.565063 2376.313965,1921.787231
	C2399.818604,1909.355103 2424.987549,1905.866821 2451.101318,1908.208862
	C2456.916748,1908.730469 2462.612793,1910.877319 2468.295166,1912.513550
	C2476.502930,1914.877075 2484.647949,1917.457642 2495.204590,1921.098511
	C2509.437744,1928.014648 2520.185303,1936.489624 2538.158691,1939.103638
	C2532.387451,1928.642090 2534.655762,1919.223999 2528.044434,1911.956177
	C2528.044434,1911.956177 2528.052490,1909.996582 2528.041016,1909.016724
z"/>
<path fill="#586174" opacity="1.000000" stroke="none"
	d="
M2317.536133,1951.733398
	C2319.197998,1953.383911 2319.307861,1955.151245 2318.420166,1959.025757
	C2315.620850,1964.765259 2313.819336,1968.397705 2310.456299,1972.051514
	C2277.525879,1980.051636 2247.956787,1992.781494 2218.966553,2006.836548
	C2212.054688,2010.187622 2206.265137,2015.854248 2198.644043,2020.063965
	C2191.596924,2016.871216 2185.865479,2014.070068 2180.134033,2011.269043
	C2180.134033,2011.269043 2180.131348,2009.561401 2180.114258,2008.706543
	C2210.766602,1989.862061 2241.864258,1973.052856 2276.346924,1962.923462
	C2289.517578,1959.054443 2302.130127,1953.319824 2317.536133,1951.733398
z"/>
<path fill="#1148B0" opacity="1.000000" stroke="none"
	d="
M2518.283691,2976.004395
	C2520.033447,2977.784424 2519.994141,2979.568848 2519.901367,2982.691895
	C2516.674316,2988.865479 2513.500732,2993.700439 2507.410400,2999.271973
	C2458.900146,3000.020508 2413.306641,3000.032959 2367.713135,3000.045410
	C2362.191162,2994.188232 2359.224854,2987.148193 2356.946777,2978.583008
	C2365.890625,2974.429443 2374.121094,2975.973633 2382.457764,2977.355713
	C2389.559814,2978.532715 2396.745117,2979.764160 2403.912109,2979.887939
	C2423.748779,2980.230713 2443.595215,2980.078613 2463.437256,2979.980469
	C2474.616943,2979.925049 2485.713623,2980.422363 2496.785889,2976.903809
	C2502.839111,2974.980225 2509.892334,2976.203857 2518.283691,2976.004395
z"/>
<path fill="#1350C3" opacity="1.000000" stroke="none"
	d="
M2367.795410,3001.537598
	C2413.306641,3000.032959 2458.900146,3000.020508 2506.403564,3000.030273
	C2508.194336,3003.038086 2508.074951,3006.024170 2507.889160,3010.504883
	C2505.862061,3014.267822 2503.901611,3016.536133 2499.869629,3018.249512
	C2490.025879,3017.479004 2482.077393,3016.103027 2474.513916,3017.255615
	C2447.076660,3021.436279 2419.798584,3021.960938 2392.445557,3016.852539
	C2386.738037,3015.786377 2380.604492,3014.233643 2376.052979,3019.992432
	C2374.068115,3017.748291 2372.083252,3015.503906 2369.151367,3012.628418
	C2368.095459,3009.008301 2367.986572,3006.019043 2367.795410,3001.537598
z"/>
<path fill="#0A255B" opacity="1.000000" stroke="none"
	d="
M2326.106445,2943.108398
	C2323.719971,2936.184326 2321.946045,2929.633789 2319.528320,2920.295898
	C2316.727783,2911.590088 2314.570557,2905.671143 2312.374512,2898.431152
	C2312.364502,2895.343018 2312.392822,2893.576172 2313.829590,2891.836426
	C2321.094482,2892.295410 2323.653809,2889.093506 2325.390381,2884.370605
	C2342.741455,2907.186768 2360.849609,2927.168457 2386.730957,2938.396240
	C2387.283691,2938.635742 2387.651611,2939.301514 2388.079102,2941.317627
	C2388.037354,2945.970703 2388.022217,2949.074219 2388.007324,2952.177979
	C2380.936768,2949.546143 2373.866699,2946.914062 2365.386719,2944.067383
	C2359.417969,2935.314209 2350.753174,2933.577637 2342.975342,2930.161865
	C2338.229492,2934.842529 2341.048828,2945.202393 2329.494629,2943.991699
	C2328.042236,2944.034668 2326.718750,2943.481689 2326.106445,2943.108398
z"/>
<path fill="#0A255B" opacity="1.000000" stroke="none"
	d="
M2556.075195,2924.050049
	C2554.367188,2929.415283 2552.659180,2934.780518 2550.757324,2941.529297
	C2550.563477,2942.912598 2549.323242,2943.540771 2548.678711,2943.801758
	C2545.010498,2944.055420 2541.986572,2944.048096 2537.473633,2942.563965
	C2535.485596,2936.916260 2537.472656,2931.833008 2531.066650,2929.139404
	C2526.027588,2932.318115 2520.565430,2935.572510 2515.345703,2939.178223
	C2513.865234,2940.201172 2513.092041,2942.247314 2511.994629,2943.824463
	C2506.402588,2945.303711 2500.810547,2946.782715 2492.730713,2947.587402
	C2489.467041,2944.552734 2488.691406,2942.192383 2488.843262,2938.849854
	C2508.974854,2928.876221 2524.916992,2915.682373 2538.888428,2899.905762
	C2541.443604,2897.020752 2544.357910,2894.454102 2548.430420,2892.254883
	C2553.312500,2893.918701 2556.870117,2895.068115 2560.350098,2897.554199
	C2560.330322,2900.678467 2560.388672,2902.466064 2560.117432,2905.675049
	C2558.550293,2912.747559 2557.312744,2918.398926 2556.075195,2924.050049
z"/>
<path fill="#0F2D6A" opacity="1.000000" stroke="none"
	d="
M2487.915527,2939.832031
	C2488.691406,2942.192383 2489.467041,2944.552734 2491.272705,2947.679688
	C2489.851562,2952.756592 2486.015381,2954.784180 2481.341797,2956.342041
	C2450.609131,2966.587158 2420.197021,2966.168457 2388.995605,2953.276367
	C2388.022217,2949.074219 2388.037354,2945.970703 2389.652588,2941.448242
	C2409.989502,2947.495361 2429.531494,2950.541504 2449.444824,2948.102051
	C2462.411621,2946.513672 2475.101562,2942.666992 2487.915527,2939.832031
z"/>
<path fill="#0B2D73" opacity="1.000000" stroke="none"
	d="
M2512.951172,2944.983887
	C2513.092041,2942.247314 2513.865234,2940.201172 2515.345703,2939.178223
	C2520.565430,2935.572510 2526.027588,2932.318115 2531.066650,2929.139404
	C2537.472656,2931.833008 2535.485596,2936.916260 2535.961670,2942.562012
	C2534.878418,2944.827637 2533.817871,2945.618896 2532.313965,2947.321289
	C2525.883057,2947.535889 2519.895508,2946.839600 2512.951172,2944.983887
z"/>
<path fill="#175CDC" opacity="1.000000" stroke="none"
	d="
M2376.203125,3021.405518
	C2380.604492,3014.233643 2386.738037,3015.786377 2392.445557,3016.852539
	C2419.798584,3021.960938 2447.076660,3021.436279 2474.513916,3017.255615
	C2482.077393,3016.103027 2490.025879,3017.479004 2498.898926,3018.857178
	C2492.876953,3037.184082 2483.968262,3053.393555 2473.794189,3068.921143
	C2464.707764,3082.788818 2455.756348,3096.749512 2446.410889,3110.440918
	C2441.690186,3117.356934 2434.594727,3117.686279 2430.081055,3111.000488
	C2417.839600,3092.868164 2405.743408,3074.620361 2394.230713,3056.021240
	C2387.626953,3045.353027 2382.270996,3033.911865 2376.203125,3021.405518
z"/>
<path fill="#0C2964" opacity="1.000000" stroke="none"
	d="
M2744.702881,2870.862061
	C2744.001221,2874.622803 2743.288818,2878.376221 2737.353760,2879.740967
	C2728.919189,2877.526123 2721.873535,2875.047852 2713.426758,2872.431152
	C2707.623047,2869.418213 2703.220703,2866.543457 2696.740723,2862.426025
	C2690.844971,2858.326172 2687.026611,2855.468506 2684.595215,2852.308105
	C2694.817383,2850.614746 2696.217285,2842.547119 2701.634277,2836.151611
	C2706.685059,2835.747559 2709.990723,2835.748047 2713.294434,2835.668701
	C2770.391602,2834.298584 2816.055664,2799.636230 2832.479736,2745.167480
	C2834.564697,2738.252441 2836.475098,2731.284912 2840.036133,2724.247559
	C2844.711670,2724.067627 2847.817139,2723.981689 2851.104004,2725.435059
	C2848.815918,2742.077148 2844.729980,2756.714844 2838.262939,2770.606445
	C2834.933350,2777.758789 2831.201660,2784.724365 2826.574707,2792.548340
	C2816.010986,2806.482910 2803.477783,2816.568848 2789.984375,2827.401855
	C2777.182861,2832.723389 2765.736816,2837.630615 2754.420654,2842.820068
	C2742.713135,2848.188232 2729.052002,2846.273438 2717.619385,2851.468018
	C2718.989502,2859.219971 2725.126953,2859.850342 2729.377197,2862.549316
	C2734.271729,2865.656982 2739.576416,2868.119141 2744.702881,2870.862061
z"/>
<path fill="#5B6477" opacity="1.000000" stroke="none"
	d="
M2683.208496,2852.611084
	C2687.026611,2855.468506 2690.844971,2858.326172 2695.424316,2862.082520
	C2692.298828,2872.483154 2682.984375,2875.848145 2675.143311,2880.072998
	C2650.224854,2893.500977 2624.470459,2904.989990 2597.020264,2912.739746
	C2584.407471,2916.300537 2572.293701,2921.737061 2557.652344,2924.000977
	C2557.312744,2918.398926 2558.550293,2912.747559 2561.686035,2905.583008
	C2566.878418,2903.701416 2570.334717,2903.854248 2573.440918,2902.884521
	C2604.547363,2893.171631 2634.644287,2880.941406 2663.678711,2866.125244
	C2666.046631,2864.917236 2668.440430,2863.732910 2670.688232,2862.323730
	C2674.389160,2860.004150 2675.776855,2856.364746 2677.203125,2852.215332
	C2680.009033,2852.378418 2681.608887,2852.494629 2683.208496,2852.611084
z"/>
<path fill="#5B6477" opacity="1.000000" stroke="none"
	d="
M2312.413330,2899.752197
	C2314.570557,2905.671143 2316.727783,2911.590088 2319.086914,2918.884766
	C2301.743164,2919.651855 2285.569336,2913.337891 2269.332031,2907.707764
	C2241.620850,2898.099609 2215.878174,2884.086670 2189.875488,2870.722412
	C2186.962158,2869.225098 2184.528076,2866.795166 2181.528320,2863.129883
	C2188.783447,2858.306396 2196.382080,2855.150635 2204.128418,2853.408447
	C2205.249512,2859.905762 2208.959229,2862.336182 2213.195557,2864.565186
	C2236.481689,2876.819824 2260.371094,2887.618652 2285.386230,2895.923340
	C2294.244629,2898.864258 2303.058838,2900.895996 2312.413330,2899.752197
z"/>
<path fill="#0A204E" opacity="1.000000" stroke="none"
	d="
M2203.980469,2851.994873
	C2196.382080,2855.150635 2188.783447,2858.306396 2180.264160,2862.468750
	C2175.106689,2864.854248 2170.869629,2866.232666 2165.288086,2867.784912
	C2159.637451,2867.470459 2156.447266,2865.612549 2155.341309,2859.042969
	C2155.219482,2857.038086 2156.044189,2856.021729 2157.326660,2855.940918
	C2161.331055,2854.945557 2163.578125,2852.884521 2161.775391,2850.415527
	C2160.762939,2849.028809 2157.215088,2849.492920 2153.370850,2849.017578
	C2146.519043,2847.532959 2141.105957,2846.153809 2135.979492,2843.258545
	C2138.530273,2839.935791 2140.545654,2837.440674 2143.125732,2836.507812
	C2145.949463,2835.487061 2149.294922,2835.910156 2154.194336,2835.573975
	C2173.495361,2837.343018 2190.681152,2833.839600 2207.992188,2833.870117
	C2208.063721,2838.797607 2208.126709,2842.082275 2207.690918,2846.198242
	C2206.121582,2848.684570 2205.051025,2850.339844 2203.980469,2851.994873
z"/>
<path fill="#D3DFF6" opacity="1.000000" stroke="none"
	d="
M2802.591064,1979.430908
	C2817.632324,1974.402588 2832.491699,1968.710083 2847.764160,1964.525513
	C2864.386230,1959.971069 2881.327637,1956.486572 2898.259277,1953.202759
	C2905.806885,1951.738892 2913.727539,1949.131836 2922.653809,1953.472656
	C2918.331543,1990.580444 2909.624023,2026.396484 2895.418457,2062.766602
	C2883.860596,2064.395264 2879.352783,2057.376709 2874.190674,2051.568115
	C2867.248779,2043.756958 2861.079102,2035.193604 2853.657227,2027.888550
	C2836.936035,2011.430420 2819.648193,1995.547729 2802.591064,1979.430908
z"/>
<path fill="#BAC5D9" opacity="1.000000" stroke="none"
	d="
M2801.173584,1979.455078
	C2819.648193,1995.547729 2836.936035,2011.430420 2853.657227,2027.888550
	C2861.079102,2035.193604 2867.248779,2043.756958 2874.190674,2051.568115
	C2879.352783,2057.376709 2883.860596,2064.395264 2894.623535,2064.025146
	C2893.748779,2071.140381 2891.392822,2078.256348 2886.877441,2086.631836
	C2875.298096,2088.104980 2870.925537,2080.855957 2865.810303,2074.887939
	C2861.941406,2070.373779 2858.895752,2065.105957 2854.769043,2060.869873
	C2840.365723,2046.085693 2825.892090,2031.352661 2810.974121,2017.093140
	C2800.523926,2007.103882 2787.883789,1999.467163 2779.083496,1987.661743
	C2779.083496,1987.661743 2779.783203,1986.304199 2780.142090,1985.631470
	C2786.919189,1983.132202 2793.337646,1981.305786 2801.173584,1979.455078
z"/>
<path fill="#9FAABE" opacity="1.000000" stroke="none"
	d="
M2777.713135,1987.614014
	C2787.883789,1999.467163 2800.523926,2007.103882 2810.974121,2017.093140
	C2825.892090,2031.352661 2840.365723,2046.085693 2854.769043,2060.869873
	C2858.895752,2065.105957 2861.941406,2070.373779 2865.810303,2074.887939
	C2870.925537,2080.855957 2875.298096,2088.104980 2886.156738,2087.843506
	C2887.734619,2088.517090 2887.873291,2089.238281 2888.220459,2091.041748
	C2885.875244,2096.600586 2883.321533,2101.077637 2878.868408,2106.647217
	C2868.230469,2104.951172 2863.502686,2097.461182 2857.826172,2091.174561
	C2850.787109,2083.378418 2844.491699,2074.876953 2837.141602,2067.401123
	C2815.427979,2045.315552 2794.169189,2022.673218 2768.870850,2004.504517
	C2764.259521,2001.192749 2764.056152,1997.092407 2764.086670,1992.433838
	C2768.171875,1990.811157 2772.257324,1989.188599 2777.713135,1987.614014
z"/>
<path fill="#808B9E" opacity="1.000000" stroke="none"
	d="
M2762.739014,1992.746582
	C2764.056152,1997.092407 2764.259521,2001.192749 2768.870850,2004.504517
	C2794.169189,2022.673218 2815.427979,2045.315552 2837.141602,2067.401123
	C2844.491699,2074.876953 2850.787109,2083.378418 2857.826172,2091.174561
	C2863.502686,2097.461182 2868.230469,2104.951172 2878.336914,2107.828613
	C2878.130127,2120.430908 2869.963135,2130.120850 2864.389648,2143.587402
	C2862.107422,2147.699463 2860.819824,2149.572021 2858.554443,2151.140625
	C2855.775879,2149.849609 2853.974854,2148.862549 2852.067871,2146.354004
	C2849.252441,2135.228760 2846.543213,2125.624756 2843.821777,2114.571777
	C2840.276611,2105.371094 2837.401611,2097.230713 2833.093506,2089.937012
	C2816.930908,2062.572998 2795.375488,2041.360352 2762.943359,2030.923340
	C2746.609375,2025.909302 2731.385986,2021.878418 2715.604004,2017.699707
	C2720.069580,2014.272095 2724.062012,2011.207520 2728.054199,2008.142822
	C2739.166504,2003.114990 2750.279053,1998.087158 2762.739014,1992.746582
z"/>
<path fill="#0A204E" opacity="1.000000" stroke="none"
	d="
M2843.833984,2116.020996
	C2846.543213,2125.624756 2849.252441,2135.228760 2851.865234,2147.741211
	C2852.114502,2154.143066 2852.459961,2157.635986 2852.825439,2161.328613
	C2859.417725,2160.080322 2859.952881,2156.050049 2859.532227,2151.444580
	C2860.819824,2149.572021 2862.107422,2147.699463 2864.120850,2144.929688
	C2868.095703,2144.740479 2871.344971,2145.448242 2875.357422,2147.188477
	C2874.675293,2152.562500 2873.229492,2156.904053 2871.489746,2162.604980
	C2867.320801,2172.338379 2863.445312,2180.712402 2858.407227,2191.253174
	C2854.435547,2197.185059 2851.626465,2200.950195 2847.900391,2203.585449
	C2843.354492,2201.640381 2839.726074,2200.825439 2835.914551,2198.326660
	C2839.139893,2176.922363 2840.548340,2157.192139 2836.258301,2137.394287
	C2834.720459,2130.297119 2833.379150,2123.157471 2833.434570,2116.028320
	C2837.891846,2116.020020 2840.863037,2116.020508 2843.833984,2116.020996
z"/>
<path fill="#5B6477" opacity="1.000000" stroke="none"
	d="
M2559.439453,1964.242310
	C2558.233887,1958.504272 2557.028320,1952.766357 2555.804688,1945.542480
	C2606.362305,1956.359131 2654.161865,1975.324219 2698.533203,2005.018311
	C2691.288574,2009.850464 2683.684570,2013.044312 2675.913818,2014.803955
	C2674.816162,2008.280518 2671.248535,2005.651978 2666.916992,2003.527466
	C2656.267578,1998.304565 2645.772949,1992.761475 2635.071777,1987.649414
	C2611.240723,1976.265259 2586.216797,1968.550171 2560.053223,1964.011230
	C2559.869385,1964.134888 2559.439453,1964.242310 2559.439453,1964.242310
z"/>
<path fill="#0A204E" opacity="1.000000" stroke="none"
	d="
M2676.080566,2016.238159
	C2683.684570,2013.044312 2691.288574,2009.850464 2699.826172,2005.659424
	C2706.652100,2002.437744 2712.544434,2000.213623 2719.216553,1996.874390
	C2721.701904,1995.501709 2723.407471,1995.244019 2726.381348,1994.707520
	C2727.759521,1997.860107 2727.868896,2001.291626 2728.016357,2006.433105
	C2724.062012,2011.207520 2720.069580,2014.272095 2715.604004,2017.699707
	C2731.385986,2021.878418 2746.609375,2025.909302 2762.918457,2032.505371
	C2763.949707,2038.233154 2763.895020,2041.395752 2762.262939,2044.366211
	C2753.635742,2041.876709 2746.585938,2039.579346 2738.946289,2036.877441
	C2737.447998,2036.058350 2736.506836,2035.963745 2733.701172,2036.239990
	C2714.546387,2036.053833 2697.223389,2035.816406 2679.777344,2034.221191
	C2678.424072,2028.524658 2677.194092,2024.185913 2676.006836,2018.945435
	C2676.049316,2018.043579 2676.080566,2016.238159 2676.080566,2016.238159
z"/>
<path fill="#475062" opacity="1.000000" stroke="none"
	d="
M2848.817627,2204.715088
	C2851.626465,2200.950195 2854.435547,2197.185059 2858.140625,2192.693604
	C2863.950439,2193.318359 2866.528809,2196.958252 2868.634766,2201.300537
	C2876.996338,2218.539307 2886.606689,2235.184814 2892.043457,2253.765137
	C2895.923096,2267.023438 2905.015869,2278.400635 2906.285889,2292.666016
	C2906.751709,2297.901367 2907.523438,2303.109619 2906.808838,2310.008057
	C2901.018311,2310.401123 2896.574951,2309.116211 2891.289062,2306.862305
	C2885.765625,2303.737305 2881.084961,2301.581299 2876.290527,2297.855225
	C2873.845947,2272.767090 2862.099121,2252.810547 2851.624756,2232.440918
	C2850.462646,2230.181152 2846.273926,2229.478271 2843.651367,2226.532715
	C2845.481934,2218.246338 2847.149658,2211.480713 2848.817627,2204.715088
z"/>
<path fill="#0A204E" opacity="1.000000" stroke="none"
	d="
M2892.131592,2307.831055
	C2896.574951,2309.116211 2901.018311,2310.401123 2906.866455,2311.658691
	C2916.559326,2314.341797 2924.847412,2317.052246 2934.616699,2319.739746
	C2937.199463,2320.321289 2938.248291,2321.006348 2939.679199,2324.001465
	C2941.977051,2333.109619 2933.751221,2335.335938 2933.188232,2341.110352
	C2935.411377,2347.096191 2937.349609,2353.232666 2943.959229,2356.007080
	C2945.307861,2359.106689 2946.656738,2362.206055 2947.371582,2367.633789
	C2944.323730,2372.433594 2941.910156,2374.905273 2938.490234,2376.414062
	C2925.972656,2356.162842 2911.668701,2339.421875 2893.124756,2326.483398
	C2891.046875,2325.033691 2889.465820,2322.872070 2887.819824,2319.643555
	C2889.367188,2314.774902 2890.749512,2311.302979 2892.131592,2307.831055
z"/>
<path fill="#939EB2" opacity="1.000000" stroke="none"
	d="
M2936.138184,2245.678711
	C2941.735352,2244.099121 2947.303711,2244.060059 2954.546387,2244.192383
	C2960.562500,2259.587158 2965.052246,2274.769775 2969.203857,2290.044434
	C2973.002930,2304.022217 2976.437256,2318.098877 2978.734619,2333.621826
	C2970.046631,2331.865967 2962.656738,2328.620605 2955.266602,2325.375000
	C2955.045410,2320.136719 2955.850586,2314.597900 2954.421631,2309.712891
	C2948.877441,2290.760498 2945.490234,2271.124023 2936.951172,2253.082031
	C2936.144043,2251.376953 2936.365723,2249.184814 2936.138184,2245.678711
z"/>
<path fill="#0F2D6A" opacity="1.000000" stroke="none"
	d="
M2953.780029,2325.161133
	C2962.656738,2328.620605 2970.046631,2331.865967 2978.802490,2335.195312
	C2981.425293,2336.117188 2982.682129,2336.955322 2984.697266,2338.640381
	C2978.508057,2345.902344 2971.684326,2350.201660 2961.309082,2345.326660
	C2954.325439,2342.045898 2947.038574,2343.912109 2944.176270,2354.528809
	C2937.349609,2353.232666 2935.411377,2347.096191 2933.188232,2341.110352
	C2933.751221,2335.335938 2941.977051,2333.109619 2940.252441,2324.746094
	C2944.358154,2323.823486 2948.325928,2324.385254 2953.780029,2325.161133
z"/>
<path fill="#D6E2F8" opacity="1.000000" stroke="none"
	d="
M2895.619385,2804.093994
	C2905.570068,2826.068848 2909.832031,2849.704346 2915.445557,2872.918213
	C2918.254395,2884.532959 2920.099365,2896.394287 2922.042969,2908.199707
	C2923.470947,2916.870850 2919.611572,2920.835938 2910.628662,2919.213135
	C2895.594238,2916.496826 2880.574951,2913.518066 2865.762695,2909.799072
	C2847.077148,2905.107178 2828.605957,2899.562012 2809.061523,2892.043457
	C2810.527100,2880.778809 2817.661377,2875.396484 2824.369141,2870.438232
	C2841.989990,2857.414062 2856.814697,2841.954590 2870.323486,2824.750000
	C2876.955566,2816.303711 2883.144287,2805.964355 2895.619385,2804.093994
z"/>
<path fill="#BAC5D9" opacity="1.000000" stroke="none"
	d="
M2895.663574,2802.697266
	C2883.144287,2805.964355 2876.955566,2816.303711 2870.323486,2824.750000
	C2856.814697,2841.954590 2841.989990,2857.414062 2824.369141,2870.438232
	C2817.661377,2875.396484 2810.527100,2880.778809 2807.907227,2891.126953
	C2802.157471,2891.056152 2796.580811,2889.560059 2789.556396,2888.039551
	C2786.186768,2886.783936 2784.264648,2885.552979 2781.431641,2882.492676
	C2784.133789,2876.106445 2786.890869,2870.199463 2791.529053,2867.260010
	C2802.867188,2860.073975 2811.756592,2850.414062 2820.885498,2841.002197
	C2842.317383,2818.906250 2863.395752,2796.467773 2884.616943,2774.167725
	C2886.681641,2778.004883 2888.746338,2781.842041 2891.511719,2786.791992
	C2893.377441,2792.370117 2894.542725,2796.835449 2895.663574,2802.697266
z"/>
<path fill="#96A1B5" opacity="1.000000" stroke="none"
	d="
M2884.634766,2772.857910
	C2863.395752,2796.467773 2842.317383,2818.906250 2820.885498,2841.002197
	C2811.756592,2850.414062 2802.867188,2860.073975 2791.529053,2867.260010
	C2786.890869,2870.199463 2784.133789,2876.106445 2780.396973,2881.993164
	C2771.642578,2879.977051 2763.012207,2876.630615 2753.493164,2871.083496
	C2754.295654,2866.989258 2755.788330,2864.859131 2757.711670,2863.241455
	C2767.255371,2855.215576 2776.972412,2847.395508 2786.499756,2839.350830
	C2790.198242,2836.227783 2792.316162,2832.210693 2791.396729,2827.111084
	C2803.477783,2816.568848 2816.010986,2806.482910 2827.989014,2792.526855
	C2842.096680,2786.444092 2849.534180,2776.870605 2856.692871,2766.809326
	C2861.498047,2760.055664 2866.094971,2752.528320 2875.894043,2752.053955
	C2878.813721,2758.552002 2881.733154,2765.050049 2884.634766,2772.857910
z"/>
<path fill="#778296" opacity="1.000000" stroke="none"
	d="
M2789.984375,2827.401855
	C2792.316162,2832.210693 2790.198242,2836.227783 2786.499756,2839.350830
	C2776.972412,2847.395508 2767.255371,2855.215576 2757.711670,2863.241455
	C2755.788330,2864.859131 2754.295654,2866.989258 2752.465820,2870.195801
	C2750.624268,2871.443359 2748.920654,2871.378418 2745.959961,2871.087646
	C2739.576416,2868.119141 2734.271729,2865.656982 2729.377197,2862.549316
	C2725.126953,2859.850342 2718.989502,2859.219971 2717.619385,2851.468018
	C2729.052002,2846.273438 2742.713135,2848.188232 2754.420654,2842.820068
	C2765.736816,2837.630615 2777.182861,2832.723389 2789.984375,2827.401855
z"/>
<path fill="#778296" opacity="1.000000" stroke="none"
	d="
M2875.909180,2750.749023
	C2866.094971,2752.528320 2861.498047,2760.055664 2856.692871,2766.809326
	C2849.534180,2776.870605 2842.096680,2786.444092 2829.066162,2791.752930
	C2831.201660,2784.724365 2834.933350,2777.758789 2838.262939,2770.606445
	C2844.729980,2756.714844 2848.815918,2742.077148 2851.496582,2724.099121
	C2852.773193,2717.068848 2850.958740,2711.973877 2855.892090,2710.360352
	C2862.514648,2722.554688 2868.938232,2733.405518 2875.361572,2744.256348
	C2875.549072,2745.985596 2875.736572,2747.715088 2875.909180,2750.749023
z"/>
<path fill="#0C2964" opacity="1.000000" stroke="none"
	d="
M2876.803467,2744.060303
	C2868.938232,2733.405518 2862.514648,2722.554688 2856.372559,2709.110352
	C2859.173096,2702.933594 2861.692383,2699.350098 2865.078125,2695.878906
	C2865.944336,2695.990967 2867.683105,2696.163574 2867.683105,2696.163574
	C2868.940674,2699.440430 2870.198486,2702.717041 2872.256592,2707.069824
	C2872.166016,2716.068115 2879.194824,2720.564697 2882.279785,2728.100586
	C2883.716797,2731.465332 2884.169434,2733.922119 2884.813477,2737.615479
	C2882.751465,2740.522705 2880.498291,2742.193359 2876.803467,2744.060303
z"/>
<path fill="#5B6477" opacity="1.000000" stroke="none"
	d="
M2868.826416,2695.365723
	C2867.683105,2696.163574 2865.944336,2695.990967 2864.857910,2694.497559
	C2861.220703,2686.006836 2858.669922,2679.009766 2857.513672,2671.862793
	C2868.747559,2668.196289 2872.442627,2658.837646 2876.079590,2650.857422
	C2885.970703,2629.155518 2894.748535,2606.908447 2903.024902,2584.528809
	C2905.942627,2576.639160 2906.128174,2567.739014 2908.587402,2558.392578
	C2915.779785,2555.785156 2921.945801,2554.085449 2928.111816,2552.385742
	C2922.130371,2581.586426 2911.455322,2609.255127 2900.195068,2636.691162
	C2896.458740,2645.795898 2891.592773,2654.452637 2886.998779,2663.186035
	C2881.458496,2673.718018 2875.657715,2684.113281 2868.826416,2695.365723
z"/>
<path fill="#0A204E" opacity="1.000000" stroke="none"
	d="
M2929.428467,2551.970215
	C2921.945801,2554.085449 2915.779785,2555.785156 2907.097656,2558.508789
	C2900.576660,2559.771240 2896.571777,2560.009766 2891.443359,2559.576904
	C2887.965088,2556.417480 2885.610107,2553.929443 2883.969238,2550.293457
	C2898.981445,2539.668701 2912.289551,2529.004395 2923.138672,2515.627441
	C2928.475830,2509.046631 2933.175537,2501.949219 2939.797607,2495.338379
	C2943.632568,2495.718750 2945.833252,2495.846191 2948.034180,2495.973389
	C2948.034180,2495.973389 2947.964600,2497.944092 2946.714600,2499.570312
	C2937.174072,2510.042480 2933.666748,2521.286865 2928.106689,2533.168945
	C2932.339844,2534.529053 2935.196533,2535.622070 2938.143066,2536.353516
	C2942.901123,2537.534912 2943.797607,2541.329590 2944.597412,2545.277344
	C2944.597412,2545.277344 2944.302734,2546.578613 2944.104004,2547.215332
	C2939.518311,2549.086426 2935.131836,2550.320801 2929.428467,2551.970215
z"/>
<path fill="#0B2D73" opacity="1.000000" stroke="none"
	d="
M2946.090332,2545.074707
	C2943.797607,2541.329590 2942.901123,2537.534912 2938.143066,2536.353516
	C2935.196533,2535.622070 2932.339844,2534.529053 2928.106689,2533.168945
	C2933.666748,2521.286865 2937.174072,2510.042480 2946.678223,2500.555664
	C2948.153564,2508.275391 2948.415527,2516.635986 2948.719971,2526.350586
	C2952.821533,2526.350586 2955.924805,2526.928223 2958.707275,2526.229248
	C2964.364258,2524.808594 2969.768555,2522.380371 2975.425293,2520.958008
	C2981.455078,2519.442139 2983.677734,2523.016113 2983.868896,2529.957520
	C2982.929688,2532.287109 2981.900146,2533.063477 2980.212402,2534.518066
	C2973.594727,2537.270752 2967.571045,2539.260010 2960.512207,2542.117676
	C2955.511963,2543.614746 2951.547607,2544.243408 2946.090332,2545.074707
z"/>
<path fill="#1148B0" opacity="1.000000" stroke="none"
	d="
M1871.963135,2363.952393
	C1878.470825,2359.321289 1885.252197,2355.717285 1893.955811,2357.715332
	C1897.369629,2366.405762 1897.372070,2375.419922 1895.023071,2383.410156
	C1891.732422,2394.604248 1892.147949,2405.709717 1892.036133,2416.943115
	C1891.916992,2428.908203 1891.940796,2440.875732 1892.024780,2452.841309
	C1892.098877,2463.421143 1891.802979,2473.864502 1895.025146,2484.374756
	C1897.500244,2492.447998 1896.602783,2501.346436 1894.907837,2508.878662
	C1888.613525,2513.113525 1883.659546,2511.819336 1877.362305,2506.706055
	C1875.534668,2488.498047 1875.772095,2472.923584 1872.868530,2457.101074
	C1870.181396,2442.457764 1870.510132,2426.484619 1873.337769,2411.835938
	C1875.894409,2398.591553 1875.541992,2385.665771 1875.738159,2372.579102
	C1875.781128,2369.723145 1873.288330,2366.828857 1871.963135,2363.952393
z"/>
<path fill="#1350C3" opacity="1.000000" stroke="none"
	d="
M1870.586914,2364.094238
	C1873.288330,2366.828857 1875.781128,2369.723145 1875.738159,2372.579102
	C1875.541992,2385.665771 1875.894409,2398.591553 1873.337769,2411.835938
	C1870.510132,2426.484619 1870.181396,2442.457764 1872.868530,2457.101074
	C1875.772095,2472.923584 1875.534668,2488.498047 1875.953857,2506.066406
	C1871.546387,2506.666504 1867.160889,2505.435791 1861.404053,2504.039551
	C1857.760254,2501.899902 1855.487671,2499.925781 1853.794922,2495.806641
	C1854.918213,2487.088623 1855.901123,2480.517334 1855.931274,2473.942139
	C1856.086914,2439.962158 1855.998413,2405.980713 1855.995117,2372.000000
	C1855.995239,2371.327637 1855.995483,2370.655273 1855.997803,2368.973877
	C1860.403564,2366.721924 1864.807129,2365.479004 1870.586914,2364.094238
z"/>
<path fill="#175CDC" opacity="1.000000" stroke="none"
	d="
M1854.560791,2372.169434
	C1855.998413,2405.980713 1856.086914,2439.962158 1855.931274,2473.942139
	C1855.901123,2480.517334 1854.918213,2487.088623 1853.181641,2494.835693
	C1848.856445,2495.049316 1845.451782,2494.588867 1842.634644,2493.051758
	C1814.796875,2477.863037 1788.181030,2460.693115 1762.036255,2442.781738
	C1760.439209,2441.687500 1758.928467,2440.261475 1757.842163,2438.672119
	C1755.754883,2435.618408 1755.969360,2432.441162 1758.505615,2429.661621
	C1759.375488,2428.708496 1760.573120,2428.044434 1761.653320,2427.294678
	C1789.326904,2408.087891 1817.036621,2388.937012 1847.554321,2374.349121
	C1849.327026,2373.501953 1851.265259,2373.000977 1854.560791,2372.169434
z"/>
<path fill="#0F2D6A" opacity="1.000000" stroke="none"
	d="
M2152.413086,2835.703857
	C2149.294922,2835.910156 2145.949463,2835.487061 2143.125732,2836.507812
	C2140.545654,2837.440674 2138.530273,2839.935791 2134.401855,2843.263184
	C2124.325928,2842.336914 2115.782959,2840.662109 2107.960938,2837.306641
	C2077.850342,2824.389648 2054.083740,2804.427979 2040.181274,2774.003906
	C2037.430786,2767.985107 2034.383545,2762.102051 2031.475098,2754.607910
	C2028.878906,2742.944092 2026.384521,2732.799316 2023.598999,2722.735596
	C2023.010986,2720.611328 2021.356689,2718.782227 2019.787476,2716.130615
	C2012.814575,2723.466797 2008.137207,2730.361084 2005.817139,2739.976074
	C2002.214600,2744.640137 1999.421631,2748.407227 1996.628540,2752.174316
	C1993.165649,2751.815918 1989.774170,2751.343262 1988.458740,2745.957520
	C1989.587158,2740.322021 1990.923096,2735.937744 1992.431152,2730.203857
	C1996.316040,2721.510986 2000.028931,2714.167969 2003.907471,2705.442627
	C2006.637695,2699.613525 2009.202393,2695.166992 2012.942383,2688.998047
	C2015.743896,2685.927979 2017.369995,2684.580078 2019.769531,2684.478027
	C2024.608032,2691.165771 2028.911499,2696.242432 2036.906494,2697.812500
	C2038.799438,2713.219238 2038.744995,2727.416992 2042.192261,2740.706055
	C2055.051270,2790.279297 2088.158691,2819.522461 2137.229248,2831.705322
	C2142.308350,2832.966064 2147.352783,2834.367676 2152.413086,2835.703857
z"/>
<path fill="#5B6477" opacity="1.000000" stroke="none"
	d="
M2018.996094,2683.232178
	C2017.369995,2684.580078 2015.743896,2685.927979 2013.147461,2687.691895
	C2007.159790,2687.941162 2003.194336,2685.919189 2000.786133,2681.395996
	C1979.953979,2642.269531 1960.043335,2602.775879 1953.781494,2556.994385
	C1960.773804,2557.225586 1966.227783,2558.963379 1971.783936,2562.244873
	C1973.800415,2580.991943 1980.376343,2596.920410 1986.751831,2612.650146
	C1994.835693,2632.594482 2004.780029,2651.792480 2014.211426,2671.171387
	C2015.232056,2673.268555 2018.167480,2674.433350 2020.097290,2677.245361
	C2019.651855,2680.050781 2019.323975,2681.641357 2018.996094,2683.232178
z"/>
<path fill="#0A204E" opacity="1.000000" stroke="none"
	d="
M1971.681763,2560.700928
	C1966.227783,2558.963379 1960.773804,2557.225586 1953.898438,2555.361572
	C1950.027710,2553.675781 1947.578613,2552.116455 1944.399536,2549.744873
	C1943.999390,2539.368652 1944.832397,2529.859131 1940.954468,2520.567871
	C1939.248901,2516.480957 1939.055786,2511.652100 1946.314453,2509.620117
	C1950.189087,2513.110596 1951.385864,2516.369629 1953.661743,2518.446533
	C1963.748657,2527.651367 1974.145508,2536.517090 1984.331299,2547.352051
	C1984.176392,2554.102295 1984.120239,2559.005859 1982.773682,2563.844971
	C1978.216187,2562.754150 1974.948975,2561.727539 1971.681763,2560.700928
z"/>
<path fill="#D6E2F8" opacity="1.000000" stroke="none"
	d="
M2068.321289,2892.681885
	C2048.334473,2902.263184 2026.551147,2905.759277 2005.313843,2910.999512
	C1992.408569,2914.183838 1979.222290,2916.246582 1966.137939,2918.682617
	C1955.518799,2920.659180 1952.143433,2917.618896 1954.002563,2907.361816
	C1960.177856,2873.290283 1967.470947,2839.486328 1981.239258,2805.624023
	C1985.028320,2805.329834 1987.298462,2805.771729 1988.416626,2807.148926
	C2010.854370,2834.787598 2035.847900,2859.830566 2063.377686,2882.417725
	C2066.040283,2884.602295 2066.720703,2889.202881 2068.321289,2892.681885
z"/>
<path fill="#A3AEC3" opacity="1.000000" stroke="none"
	d="
M1988.286621,2777.578125
	C1989.894409,2773.109375 1991.433838,2770.031494 1994.752197,2765.624756
	C2002.730103,2763.793945 2006.274780,2767.895264 2009.631104,2772.073242
	C2013.358765,2776.713623 2016.474365,2781.890137 2020.501343,2786.235840
	C2028.618896,2794.994873 2037.063721,2803.316650 2044.022583,2813.225342
	C2048.884033,2820.147217 2056.095215,2825.518066 2062.636475,2831.140137
	C2076.189209,2842.788086 2090.111816,2854.006592 2103.614990,2865.710693
	C2107.053467,2868.690918 2109.489014,2872.828613 2112.385254,2876.434570
	C2108.847900,2878.417480 2105.310791,2880.400635 2100.807617,2883.190918
	C2095.433350,2885.225098 2091.025146,2886.451904 2085.289062,2886.241699
	C2084.077637,2874.609619 2076.165283,2870.112793 2069.565430,2864.821533
	C2047.876709,2847.433350 2028.401245,2827.889404 2010.966431,2806.225098
	C2004.440308,2798.115723 1998.537109,2788.788818 1986.747314,2787.193115
	C1987.237549,2784.451904 1987.727905,2781.710449 1988.286621,2777.578125
z"/>
<path fill="#BFCBDF" opacity="1.000000" stroke="none"
	d="
M1985.962158,2788.231445
	C1998.537109,2788.788818 2004.440308,2798.115723 2010.966431,2806.225098
	C2028.401245,2827.889404 2047.876709,2847.433350 2069.565430,2864.821533
	C2076.165283,2870.112793 2084.077637,2874.609619 2083.899902,2886.257324
	C2079.586182,2889.343262 2075.333008,2890.977051 2069.700684,2892.646484
	C2066.720703,2889.202881 2066.040283,2884.602295 2063.377686,2882.417725
	C2035.847900,2859.830566 2010.854370,2834.787598 1988.416626,2807.148926
	C1987.298462,2805.771729 1985.028320,2805.329834 1981.961548,2804.300293
	C1982.144531,2799.188721 1983.660767,2794.229248 1985.962158,2788.231445
z"/>
<path fill="#8590A2" opacity="1.000000" stroke="none"
	d="
M2113.812500,2876.244873
	C2109.489014,2872.828613 2107.053467,2868.690918 2103.614990,2865.710693
	C2090.111816,2854.006592 2076.189209,2842.788086 2062.636475,2831.140137
	C2056.095215,2825.518066 2048.884033,2820.147217 2044.022583,2813.225342
	C2037.063721,2803.316650 2028.618896,2794.994873 2020.501343,2786.235840
	C2016.474365,2781.890137 2013.358765,2776.713623 2009.631104,2772.073242
	C2006.274780,2767.895264 2002.730103,2763.793945 1995.215332,2764.397949
	C1994.691406,2761.250244 1995.483276,2758.000000 1996.451904,2753.462158
	C1999.421631,2748.407227 2002.214600,2744.640137 2007.260864,2740.364258
	C2012.259277,2742.265625 2015.272583,2744.436523 2017.688110,2747.141113
	C2021.519653,2751.431396 2025.124878,2755.816650 2031.473145,2756.156250
	C2034.383545,2762.102051 2037.430786,2767.985107 2040.181274,2774.003906
	C2054.083740,2804.427979 2077.850342,2824.389648 2107.960938,2837.306641
	C2115.782959,2840.662109 2124.325928,2842.336914 2134.115234,2844.779297
	C2141.105957,2846.153809 2146.519043,2847.532959 2153.638184,2850.151123
	C2155.577393,2852.934082 2155.810791,2854.478027 2156.044189,2856.021729
	C2156.044189,2856.021729 2155.219482,2857.038086 2154.909180,2857.611816
	C2141.479248,2864.142334 2128.359619,2870.098877 2113.812500,2876.244873
z"/>
<path fill="#175CDC" opacity="1.000000" stroke="none"
	d="
M2372.203369,1855.765625
	C2373.443359,1852.029175 2374.049316,1847.912598 2376.025146,1844.617432
	C2390.288574,1820.828857 2404.881348,1797.237915 2419.253174,1773.513794
	C2424.046875,1765.600220 2430.202637,1758.928345 2436.030762,1752.187744
	C2451.354004,1761.167969 2482.340332,1808.732788 2498.979736,1851.624878
	C2496.994385,1854.577759 2495.681396,1855.557007 2494.576904,1855.361328
	C2486.344727,1853.903076 2478.305908,1850.080811 2469.738281,1854.397339
	C2468.279297,1855.132446 2465.958008,1854.165771 2464.036377,1853.972534
	C2436.636475,1851.216553 2409.272949,1849.547607 2382.025635,1855.598633
	C2378.893799,1856.294189 2375.484131,1855.740234 2372.203369,1855.765625
z"/>
<path fill="#134EBD" opacity="1.000000" stroke="none"
	d="
M2371.728760,1856.676636
	C2375.484131,1855.740234 2378.893799,1856.294189 2382.025635,1855.598633
	C2409.272949,1849.547607 2436.636475,1851.216553 2464.036377,1853.972534
	C2465.958008,1854.165771 2468.279297,1855.132446 2469.738281,1854.397339
	C2478.305908,1850.080811 2486.344727,1853.903076 2494.576904,1855.361328
	C2495.681396,1855.557007 2496.994385,1854.577759 2499.169922,1853.061523
	C2503.235840,1855.582642 2506.342529,1859.184814 2510.522705,1863.312988
	C2511.797852,1866.858887 2511.999512,1869.878662 2511.133545,1875.550659
	C2503.583252,1878.478638 2496.622559,1880.378418 2490.731201,1878.644287
	C2482.192627,1876.130981 2473.808838,1876.112549 2465.260010,1876.054321
	C2451.365479,1875.959595 2437.467041,1875.849854 2423.575439,1876.073364
	C2409.780029,1876.295166 2395.975342,1874.932861 2382.296631,1879.328735
	C2376.505127,1881.189941 2369.065918,1882.072021 2363.836426,1875.990723
	C2365.119873,1871.574585 2366.403076,1867.158325 2367.843262,1861.361450
	C2369.084717,1859.182983 2370.169434,1858.385254 2371.728760,1856.676636
z"/>
<path fill="#10409F" opacity="1.000000" stroke="none"
	d="
M2362.689941,1876.917480
	C2369.065918,1882.072021 2376.505127,1881.189941 2382.296631,1879.328735
	C2395.975342,1874.932861 2409.780029,1876.295166 2423.575439,1876.073364
	C2437.467041,1875.849854 2451.365479,1875.959595 2465.260010,1876.054321
	C2473.808838,1876.112549 2482.192627,1876.130981 2490.731201,1878.644287
	C2496.622559,1880.378418 2503.583252,1878.478638 2511.213379,1877.058594
	C2519.978027,1882.660522 2520.308594,1891.663330 2520.108398,1902.414795
	C2512.959229,1903.167847 2505.788330,1902.281250 2498.602295,1901.543335
	C2492.705322,1900.937622 2486.792969,1900.114746 2480.882568,1900.071289
	C2457.677734,1899.900879 2434.469727,1899.878906 2411.264893,1900.046143
	C2397.432373,1900.145874 2383.500488,1898.666626 2369.932861,1903.476074
	C2366.613525,1904.652710 2362.352295,1903.172241 2358.743408,1902.928345
	C2353.702881,1893.071899 2356.721436,1885.347412 2362.689941,1876.917480
z"/>
<path fill="#0E3580" opacity="1.000000" stroke="none"
	d="
M2527.769531,1913.378906
	C2534.655762,1919.223999 2532.387451,1928.642090 2538.158691,1939.103638
	C2520.185303,1936.489624 2509.437744,1928.014648 2496.773438,1921.153320
	C2501.865479,1916.454834 2507.658447,1915.682861 2514.385254,1918.683228
	C2519.073486,1920.774536 2524.754395,1921.529053 2527.769531,1913.378906
z"/>
<path fill="#1148B0" opacity="1.000000" stroke="none"
	d="
M3008.100342,2504.140381
	C3001.339111,2511.350586 2992.287598,2512.671387 2982.887695,2514.682617
	C2978.509766,2508.131836 2979.003174,2501.279785 2981.104736,2495.357666
	C2984.327148,2486.276855 2983.938232,2477.158447 2983.974609,2467.950439
	C2984.050537,2448.770264 2984.096680,2429.588867 2983.964600,2410.409424
	C2983.883057,2398.580322 2985.166504,2386.646729 2980.700684,2375.125244
	C2979.570801,2372.209717 2979.987061,2368.573730 2980.192383,2365.300293
	C2980.349854,2362.787842 2981.292725,2360.324951 2981.973877,2357.474121
	C2990.782715,2356.272705 2997.750488,2358.579590 3003.773926,2367.935303
	C3004.164551,2381.746582 3001.891846,2393.071289 3005.058594,2402.585449
	C3008.991943,2414.402344 3002.648193,2424.524658 3003.997559,2435.430908
	C3004.319824,2438.034424 3003.732422,2440.926758 3004.659424,2443.248535
	C3008.507568,2452.882812 3007.232178,2461.968506 3005.220215,2472.039795
	C3003.159424,2482.355957 3000.199219,2494.123291 3008.100342,2504.140381
z"/>
<path fill="#1350C3" opacity="1.000000" stroke="none"
	d="
M3009.416992,2504.090820
	C3000.199219,2494.123291 3003.159424,2482.355957 3005.220215,2472.039795
	C3007.232178,2461.968506 3008.507568,2452.882812 3004.659424,2443.248535
	C3003.732422,2440.926758 3004.319824,2438.034424 3003.997559,2435.430908
	C3002.648193,2424.524658 3008.991943,2414.402344 3005.058594,2402.585449
	C3001.891846,2393.071289 3004.164551,2381.746582 3004.069824,2369.346191
	C3008.353027,2367.614014 3012.589600,2367.761230 3018.418457,2367.944336
	C3022.278320,2369.950684 3024.546143,2371.920898 3026.107910,2375.627686
	C3016.786133,2384.702637 3018.792725,2394.841309 3021.001465,2403.182373
	C3024.127441,2414.988281 3024.152832,2426.650879 3023.865967,2438.427979
	C3023.451416,2455.434570 3026.272949,2472.654541 3020.791504,2489.437256
	C3020.248779,2491.099121 3022.869385,2493.794189 3024.021729,2496.009766
	C3021.764160,2497.987305 3019.506592,2499.964600 3016.626465,2502.897949
	C3014.246826,2503.916260 3012.490234,2503.978760 3009.416992,2504.090820
z"/>
<path fill="#0F2D6A" opacity="1.000000" stroke="none"
	d="
M2948.657227,2494.684082
	C2945.833252,2495.846191 2943.632568,2495.718750 2940.202148,2493.876465
	C2939.676025,2490.310547 2940.278564,2488.414062 2941.098145,2486.615967
	C2956.181396,2453.514160 2955.757812,2420.205078 2942.553711,2386.687012
	C2941.358398,2383.653076 2940.507324,2380.483643 2939.496338,2377.376953
	C2941.910156,2374.905273 2944.323730,2372.433594 2947.543945,2368.895508
	C2950.292236,2369.570801 2953.207764,2370.948730 2954.016846,2373.113525
	C2959.306396,2387.267090 2965.254150,2401.238770 2964.198975,2416.999512
	C2963.103271,2433.365967 2966.407227,2450.086426 2960.276611,2466.028809
	C2956.748291,2475.203613 2952.954590,2484.276367 2948.657227,2494.684082
z"/>
<path fill="#175CDC" opacity="1.000000" stroke="none"
	d="
M3025.318848,2495.421631
	C3022.869385,2493.794189 3020.248779,2491.099121 3020.791504,2489.437256
	C3026.272949,2472.654541 3023.451416,2455.434570 3023.865967,2438.427979
	C3024.152832,2426.650879 3024.127441,2414.988281 3021.001465,2403.182373
	C3018.792725,2394.841309 3016.786133,2384.702637 3026.761719,2376.572510
	C3043.624512,2378.800537 3055.467041,2389.159912 3068.576172,2396.708740
	C3084.633301,2405.954834 3099.540527,2417.203369 3114.883545,2427.676270
	C3116.407959,2428.716797 3117.505859,2430.382324 3119.510010,2432.509766
	C3113.802246,2441.835449 3106.230957,2449.267822 3097.460449,2454.958740
	C3079.669189,2466.502197 3061.427734,2477.369385 3043.132324,2488.107178
	C3038.058838,2491.084961 3032.144531,2492.630615 3025.318848,2495.421631
z"/>
<path fill="#87ABEF" opacity="1.000000" stroke="none"
	d="
M2938.490234,2376.414062
	C2940.507324,2380.483643 2941.358398,2383.653076 2942.553711,2386.687012
	C2955.757812,2420.205078 2956.181396,2453.514160 2941.098145,2486.615967
	C2940.278564,2488.414062 2939.676025,2490.310547 2938.567871,2493.623535
	C2933.175537,2501.949219 2928.475830,2509.046631 2923.138672,2515.627441
	C2912.289551,2529.004395 2898.981445,2539.668701 2882.590088,2550.632812
	C2858.986816,2563.986084 2836.311768,2572.514893 2811.986816,2576.571289
	C2806.332275,2577.514160 2800.214844,2578.061279 2795.152588,2584.362793
	C2797.200684,2588.500000 2798.901367,2593.418457 2801.782959,2597.503906
	C2815.580566,2617.064209 2826.085205,2638.235596 2834.011963,2662.520996
	C2838.632080,2684.043457 2840.406738,2704.060059 2838.466797,2724.341797
	C2836.475098,2731.284912 2834.564697,2738.252441 2832.479736,2745.167480
	C2816.055664,2799.636230 2770.391602,2834.298584 2713.294434,2835.668701
	C2709.990723,2835.748047 2706.685059,2835.747559 2700.266602,2835.842773
	C2694.363770,2835.688232 2691.574707,2835.475098 2687.884766,2834.429199
	C2684.605957,2833.414551 2682.227539,2833.231934 2678.341797,2832.671387
	C2659.310303,2828.441650 2642.468262,2822.577393 2626.778564,2813.898193
	C2616.388428,2808.150879 2606.627686,2801.275391 2596.357178,2795.296387
	C2593.250977,2793.488037 2589.382324,2792.989502 2585.018799,2791.627686
	C2583.240479,2796.355225 2581.113281,2799.875488 2580.638916,2803.605957
	C2576.556152,2835.716064 2564.500977,2864.729004 2547.106201,2891.740479
	C2544.357910,2894.454102 2541.443604,2897.020752 2538.888428,2899.905762
	C2524.916992,2915.682373 2508.974854,2928.876221 2488.843262,2938.849854
	C2475.101562,2942.666992 2462.411621,2946.513672 2449.444824,2948.102051
	C2429.531494,2950.541504 2409.989502,2947.495361 2389.679199,2939.898926
	C2387.651611,2939.301514 2387.283691,2938.635742 2386.730957,2938.396240
	C2360.849609,2927.168457 2342.741455,2907.186768 2324.987061,2883.028320
	C2309.718994,2858.590088 2301.235596,2834.201172 2296.328613,2808.493896
	C2295.213867,2802.653320 2295.092285,2796.486816 2288.347168,2791.279785
	C2274.965332,2796.847412 2263.817383,2807.949707 2249.996338,2814.104736
	C2236.064941,2820.309570 2221.993896,2826.199463 2207.983887,2832.227295
	C2190.681152,2833.839600 2173.495361,2837.343018 2154.194336,2835.573975
	C2147.352783,2834.367676 2142.308350,2832.966064 2137.229248,2831.705322
	C2088.158691,2819.522461 2055.051270,2790.279297 2042.192261,2740.706055
	C2038.744995,2727.416992 2038.799438,2713.219238 2037.408691,2696.340820
	C2041.432007,2658.279297 2054.128662,2626.754639 2074.479736,2598.185791
	C2076.387939,2595.506592 2078.303467,2592.715332 2079.513916,2589.694824
	C2080.418945,2587.436768 2080.192871,2584.725586 2080.559814,2581.408203
	C2075.067139,2579.643066 2070.230469,2577.357178 2065.162598,2576.581543
	C2037.299316,2572.318359 2011.740601,2562.217285 1988.027954,2547.162109
	C1986.923340,2546.460938 1985.633667,2546.051025 1984.430176,2545.505371
	C1974.145508,2536.517090 1963.748657,2527.651367 1953.661743,2518.446533
	C1951.385864,2516.369629 1950.189087,2513.110596 1947.706299,2509.229736
	C1941.711548,2497.419678 1935.500977,2487.140381 1931.479980,2476.066162
	C1916.558838,2434.973145 1923.574707,2396.693604 1948.521606,2361.464600
	C1954.218872,2353.419189 1961.394775,2346.420898 1969.670898,2337.130371
	C1977.501953,2332.695312 1980.503052,2326.673828 1986.328247,2323.150146
	C2012.806274,2307.134521 2041.074707,2296.862305 2071.447510,2291.699951
	C2074.929688,2291.108154 2078.047852,2288.374512 2082.421387,2286.058594
	C2073.039062,2269.695557 2063.800293,2254.560791 2055.542969,2238.908447
	C2047.152222,2223.002930 2043.096191,2205.494385 2038.913574,2188.112549
	C2036.208740,2167.835938 2036.375122,2147.685791 2041.937988,2126.092285
	C2044.161987,2120.221924 2045.938721,2115.977783 2047.895264,2111.818115
	C2070.718506,2063.296143 2108.399414,2036.879883 2162.472900,2034.886963
	C2165.762939,2034.765625 2169.052246,2034.615601 2175.697266,2034.469604
	C2206.596436,2037.212524 2232.369385,2045.574341 2256.333252,2059.339111
	C2264.398438,2063.971924 2271.893066,2069.594238 2279.925049,2074.291504
	C2283.056641,2076.123047 2286.949707,2076.652100 2291.092529,2077.963135
	C2292.848633,2073.845703 2294.527588,2070.951660 2295.321045,2067.832275
	C2296.958008,2061.394775 2297.870361,2054.772217 2299.525879,2048.340332
	C2307.335449,2017.996826 2317.141846,1988.620361 2340.302246,1965.819946
	C2341.581543,1964.560303 2341.917725,1962.341919 2342.692871,1960.569946
	C2350.130859,1960.150146 2353.645508,1953.657715 2358.732422,1949.801270
	C2374.307861,1937.993408 2391.135010,1928.905518 2410.127441,1924.196899
	C2453.066895,1913.551514 2490.138916,1925.763306 2523.026123,1953.702759
	C2527.063965,1957.133301 2530.838379,1960.873779 2536.255371,1965.953369
	C2560.722900,1995.984741 2575.273438,2028.179565 2580.467041,2064.575439
	C2581.083740,2068.898438 2583.603760,2072.949951 2585.303467,2077.285645
	C2598.340332,2076.307129 2605.927246,2066.874756 2615.753662,2061.895508
	C2626.391602,2056.505371 2636.779785,2050.500244 2647.773193,2045.967407
	C2658.146484,2041.690552 2669.165527,2038.978882 2679.900635,2035.578857
	C2697.223389,2035.816406 2714.546387,2036.053833 2734.232422,2036.830444
	C2736.595703,2037.369507 2738.083008,2037.893799 2738.083008,2037.893799
	C2738.083008,2037.893799 2739.536133,2037.281982 2739.536133,2037.281982
	C2746.585938,2039.579346 2753.635742,2041.876709 2763.122070,2045.395020
	C2795.514893,2060.437744 2817.407227,2081.998535 2829.457520,2113.058350
	C2829.900879,2114.201172 2831.101074,2115.050781 2831.948242,2116.037109
	C2833.379150,2123.157471 2834.720459,2130.297119 2836.258301,2137.394287
	C2840.548340,2157.192139 2839.139893,2176.922363 2835.265137,2199.633301
	C2829.358887,2216.770020 2824.092773,2230.986328 2818.432129,2245.043701
	C2812.563965,2259.615967 2799.843994,2270.516357 2794.949951,2286.984863
	C2810.370605,2295.063232 2827.636719,2294.305176 2842.633789,2300.662842
	C2857.795166,2307.091064 2872.659668,2314.219238 2887.654297,2321.040527
	C2889.465820,2322.872070 2891.046875,2325.033691 2893.124756,2326.483398
	C2911.668701,2339.421875 2925.972656,2356.162842 2938.490234,2376.414062
M2708.390381,2803.336426
	C2714.271729,2802.189941 2720.234863,2801.358398 2726.021484,2799.848633
	C2782.501465,2785.112061 2805.677979,2744.887451 2806.268311,2694.441406
	C2806.611816,2665.073242 2798.259521,2636.386719 2781.966553,2611.069824
	C2773.333008,2597.655029 2763.758789,2584.845215 2754.608154,2571.763672
	C2752.633789,2568.941895 2751.136963,2566.071777 2754.220215,2561.924805
	C2755.988770,2561.553223 2758.512207,2560.514893 2761.007324,2560.579590
	C2778.587646,2561.036865 2795.393555,2556.845459 2812.019043,2551.989990
	C2841.399170,2543.410400 2867.115479,2528.445801 2887.838379,2505.752197
	C2906.020996,2485.840820 2915.995605,2462.437256 2915.847900,2435.067139
	C2915.716309,2410.691895 2907.032227,2389.328857 2892.153809,2370.659912
	C2874.834961,2348.929199 2853.441406,2332.464355 2826.812256,2322.999268
	C2805.332031,2315.364014 2783.273926,2310.905273 2760.776611,2308.076416
	C2757.612061,2307.678711 2753.968506,2308.082031 2752.191650,2302.153809
	C2756.656250,2296.252441 2761.915527,2289.502686 2766.959961,2282.596191
	C2786.506836,2255.833740 2799.430664,2226.498291 2805.093994,2193.500732
	C2808.631836,2172.887695 2806.157715,2153.493896 2799.088135,2134.717773
	C2784.717041,2096.550049 2756.607666,2073.797119 2716.270752,2068.254395
	C2687.358398,2064.281494 2659.217773,2069.474365 2632.513428,2081.731201
	C2612.389893,2090.967529 2593.948975,2102.752930 2577.027832,2117.006348
	C2574.178467,2119.406494 2571.790771,2123.353271 2565.698730,2121.147705
	C2565.319092,2118.641357 2564.464600,2115.541748 2564.444092,2112.436768
	C2564.336670,2096.275391 2560.389893,2080.813965 2556.415771,2065.314697
	C2549.305664,2037.585938 2535.640625,2013.505859 2516.266846,1992.608521
	C2486.310059,1960.295898 2441.607422,1947.937866 2399.563232,1965.181641
	C2375.439697,1975.075562 2357.104248,1992.651367 2343.104980,2014.351685
	C2324.318604,2043.472046 2314.843994,2075.821533 2311.904785,2110.232910
	C2311.543945,2114.457520 2313.750488,2119.812988 2307.180908,2122.824707
	C2303.848633,2120.236084 2300.214600,2117.479980 2296.651367,2114.634033
	C2269.745605,2093.145508 2240.314941,2076.583740 2206.209473,2069.821777
	C2187.126465,2066.038330 2167.656494,2065.217773 2148.695557,2070.058838
	C2102.939697,2081.740479 2073.418945,2120.143311 2071.354004,2167.639648
	C2069.790283,2203.610107 2079.186523,2236.159912 2098.706055,2265.989502
	C2105.991455,2277.123047 2114.156250,2287.677979 2121.735352,2298.624756
	C2123.368896,2300.983887 2124.206055,2303.894287 2125.285400,2306.275635
	C2106.355469,2309.698975 2088.458496,2311.875488 2071.134766,2316.297119
	C2038.839966,2324.540283 2010.318359,2340.103516 1988.155762,2365.520020
	C1963.800659,2393.450684 1953.997437,2425.585205 1964.534790,2461.952881
	C1971.775146,2486.941650 1986.116455,2507.781250 2007.266357,2523.173340
	C2038.153687,2545.652100 2072.767822,2558.263916 2111.067627,2560.492920
	C2116.083740,2560.785400 2121.679932,2559.328125 2127.098389,2564.083496
	C2124.262939,2568.030273 2121.817871,2571.734863 2119.074219,2575.203125
	C2102.015869,2596.767334 2087.562256,2619.783203 2078.792480,2646.069092
	C2069.972900,2672.503174 2066.763672,2699.606934 2074.070801,2726.576416
	C2088.804443,2780.956543 2134.766846,2804.768555 2186.786865,2802.572510
	C2224.491455,2800.980713 2257.568848,2785.324219 2287.345459,2762.555908
	C2292.108398,2758.913818 2296.749023,2755.075684 2301.762695,2751.814453
	C2304.140137,2750.268066 2307.263672,2749.868652 2309.641113,2749.084229
	C2313.347168,2768.688721 2315.527344,2787.307129 2320.514404,2805.140625
	C2331.214111,2843.400391 2350.199951,2876.473877 2385.772949,2897.320801
	C2421.099609,2918.023682 2456.721680,2917.593750 2491.946289,2897.200439
	C2511.427002,2885.922119 2525.833008,2869.431396 2536.959229,2849.987549
	C2552.409668,2822.986328 2561.805908,2794.145264 2563.896729,2762.982422
	C2564.230957,2758.003174 2562.729248,2752.021973 2568.912598,2748.811523
	C2576.424316,2750.519287 2581.166016,2756.453857 2586.947998,2760.806641
	C2621.894531,2787.112549 2660.342529,2803.751953 2708.390381,2803.336426
z"/>
<path fill="#081636" opacity="1.000000" stroke="none"
	d="
M2340.742432,1960.377319
	C2341.917725,1962.341919 2341.581543,1964.560303 2340.302246,1965.819946
	C2317.141846,1988.620361 2307.335449,2017.996826 2299.525879,2048.340332
	C2297.870361,2054.772217 2296.958008,2061.394775 2295.321045,2067.832275
	C2294.527588,2070.951660 2292.848633,2073.845703 2291.092529,2077.963135
	C2286.949707,2076.652100 2283.056641,2076.123047 2279.925049,2074.291504
	C2271.893066,2069.594238 2264.398438,2063.971924 2256.333252,2059.339111
	C2232.369385,2045.574341 2206.596436,2037.212524 2177.397461,2033.873291
	C2173.281494,2030.274414 2171.621582,2027.376831 2174.534180,2023.468140
	C2176.682861,2020.584473 2178.100342,2017.155884 2179.988770,2012.619629
	C2185.865479,2014.070068 2191.596924,2016.871216 2199.567871,2021.165039
	C2213.152100,2025.678345 2224.496582,2028.698730 2237.126465,2032.385742
	C2246.883301,2036.582886 2255.355225,2040.113159 2263.190430,2043.378174
	C2266.088135,2042.334106 2267.913574,2041.635498 2269.765381,2041.015625
	C2281.984619,2036.926147 2289.636963,2028.974609 2292.641357,2016.105835
	C2293.965332,2010.433594 2297.352783,2005.243164 2300.411621,1998.598145
	C2304.686035,1988.918091 2308.352051,1980.474121 2312.018066,1972.030151
	C2313.819336,1968.397705 2315.620850,1964.765259 2318.393799,1960.355835
	C2325.840820,1959.780762 2332.316406,1959.982666 2340.742432,1960.377319
z"/>
<path fill="#0C1630" opacity="1.000000" stroke="none"
	d="
M2037.537109,2188.137939
	C2043.096191,2205.494385 2047.152222,2223.002930 2055.542969,2238.908447
	C2063.800293,2254.560791 2073.039062,2269.695557 2082.421387,2286.058594
	C2078.047852,2288.374512 2074.929688,2291.108154 2071.447510,2291.699951
	C2041.074707,2296.862305 2012.806274,2307.134521 1986.328247,2323.150146
	C1980.503052,2326.673828 1977.501953,2332.695312 1970.256104,2335.890625
	C1963.428101,2335.702881 1959.919189,2333.010254 1960.109619,2326.812012
	C1960.185791,2324.335938 1960.076416,2321.854248 1960.073364,2317.755859
	C1963.188721,2314.807861 1966.282227,2313.479248 1972.004883,2311.889160
	C1983.210449,2306.518311 1991.786865,2301.408936 2001.843018,2296.214844
	C2013.630249,2291.926758 2023.937744,2287.723145 2033.031982,2284.014160
	C2036.488403,2276.227051 2039.675659,2270.375244 2041.647461,2264.139160
	C2042.972290,2259.948975 2043.998413,2254.723633 2042.652344,2250.827148
	C2039.911377,2242.893311 2035.475708,2235.544922 2031.683350,2226.474365
	C2030.439331,2221.445801 2029.157349,2217.926025 2028.083862,2214.343750
	C2026.655762,2209.577881 2025.389893,2204.762939 2024.054199,2199.969238
	C2024.513306,2192.366455 2028.294312,2188.170166 2037.537109,2188.137939
z"/>
<path fill="#475062" opacity="1.000000" stroke="none"
	d="
M2000.363159,2296.299561
	C1991.786865,2301.408936 1983.210449,2306.518311 1973.231934,2311.574707
	C1971.959961,2303.616455 1972.008301,2295.821777 1975.330688,2288.262451
	C1986.978638,2261.760254 1998.174927,2235.059082 2009.909058,2208.596191
	C2011.357300,2205.330322 2015.012695,2203.043213 2019.084717,2200.085449
	C2020.524536,2199.868652 2022.290894,2199.848389 2023.172607,2199.908691
	C2025.389893,2204.762939 2026.655762,2209.577881 2028.083862,2214.343750
	C2029.157349,2217.926025 2030.439331,2221.445801 2030.324829,2226.715820
	C2026.507935,2231.315186 2023.347656,2233.845459 2021.588623,2237.126953
	C2011.591187,2255.776123 2005.232910,2275.782715 2000.363159,2296.299561
z"/>
<path fill="#061232" opacity="1.000000" stroke="none"
	d="
M2679.777344,2034.220947
	C2669.165527,2038.978882 2658.146484,2041.690552 2647.773193,2045.967407
	C2636.779785,2050.500244 2626.391602,2056.505371 2615.753662,2061.895508
	C2605.927246,2066.874756 2598.340332,2076.307129 2585.303467,2077.285645
	C2583.603760,2072.949951 2581.083740,2068.898438 2580.467041,2064.575439
	C2575.273438,2028.179565 2560.722900,1995.984741 2537.543945,1965.976685
	C2543.479004,1964.365601 2549.645752,1964.213989 2557.625977,1964.152344
	C2559.439453,1964.242310 2559.869385,1964.134888 2560.039062,1965.413208
	C2564.009766,1973.890137 2567.810547,1981.088745 2571.823242,1989.645996
	C2575.953857,1998.065918 2579.872314,2005.127197 2583.858398,2013.706055
	C2585.320312,2030.361938 2592.829834,2041.013062 2608.019531,2047.068237
	C2615.625977,2043.794067 2625.508545,2043.922729 2633.464844,2036.024170
	C2644.477783,2034.618164 2652.710205,2030.434326 2661.433105,2024.130371
	C2667.190186,2022.559814 2671.577148,2021.203613 2675.964111,2019.847412
	C2677.194092,2024.185913 2678.424072,2028.524658 2679.777344,2034.220947
z"/>
<path fill="#3F485A" opacity="1.000000" stroke="none"
	d="
M2310.456299,1972.051514
	C2308.352051,1980.474121 2304.686035,1988.918091 2298.883789,1998.683228
	C2278.492920,2004.057129 2261.656494,2011.843506 2244.814941,2019.643066
	C2239.546387,2022.082886 2236.230957,2025.759155 2235.841309,2031.718994
	C2224.496582,2028.698730 2213.152100,2025.678345 2200.883301,2021.556885
	C2206.265137,2015.854248 2212.054688,2010.187622 2218.966553,2006.836548
	C2247.956787,1992.781494 2277.525879,1980.051636 2310.456299,1972.051514
z"/>
<path fill="#051029" opacity="1.000000" stroke="none"
	d="
M2207.992188,2833.870117
	C2221.993896,2826.199463 2236.064941,2820.309570 2249.996338,2814.104736
	C2263.817383,2807.949707 2274.965332,2796.847412 2288.347168,2791.279785
	C2295.092285,2796.486816 2295.213867,2802.653320 2296.328613,2808.493896
	C2301.235596,2834.201172 2309.718994,2858.590088 2323.825195,2882.362305
	C2323.653809,2889.093506 2321.094482,2892.295410 2313.189941,2890.806641
	C2308.811768,2886.472412 2306.481934,2883.195557 2304.000488,2878.535645
	C2299.937988,2870.069092 2296.026855,2862.985840 2292.077148,2854.391113
	C2290.084229,2847.384033 2288.693359,2841.599854 2286.057373,2836.452881
	C2280.631348,2825.859131 2273.246826,2822.743408 2261.850098,2825.297607
	C2257.404541,2826.293701 2252.697266,2826.743896 2248.623291,2828.582031
	C2245.284180,2830.088867 2242.707275,2833.284424 2238.384521,2835.781250
	C2230.372803,2836.465576 2224.448730,2838.564941 2218.467285,2843.831787
	C2214.052979,2844.408203 2211.121338,2844.887695 2208.189697,2845.367188
	C2208.126709,2842.082275 2208.063721,2838.797607 2207.992188,2833.870117
z"/>
<path fill="#475062" opacity="1.000000" stroke="none"
	d="
M2304.151855,2879.918701
	C2306.481934,2883.195557 2308.811768,2886.472412 2311.781494,2890.779297
	C2312.392822,2893.576172 2312.364502,2895.343018 2312.374512,2898.431152
	C2303.058838,2900.895996 2294.244629,2898.864258 2285.386230,2895.923340
	C2260.371094,2887.618652 2236.481689,2876.819824 2213.195557,2864.565186
	C2208.959229,2862.336182 2205.249512,2859.905762 2204.128418,2853.408447
	C2205.051025,2850.339844 2206.121582,2848.684570 2207.690918,2846.198242
	C2211.121338,2844.887695 2214.052979,2844.408203 2219.066895,2845.100586
	C2243.366455,2863.756836 2270.324463,2870.668945 2296.270264,2879.790771
	C2298.621582,2880.617432 2301.511963,2879.912354 2304.151855,2879.918701
z"/>
<path fill="#0C1630" opacity="1.000000" stroke="none"
	d="
M2548.430420,2892.254883
	C2564.500977,2864.729004 2576.556152,2835.716064 2580.638916,2803.605957
	C2581.113281,2799.875488 2583.240479,2796.355225 2585.018799,2791.627686
	C2589.382324,2792.989502 2593.250977,2793.488037 2596.357178,2795.296387
	C2606.627686,2801.275391 2616.388428,2808.150879 2626.778564,2813.898193
	C2642.468262,2822.577393 2659.310303,2828.441650 2679.203125,2833.573242
	C2683.976562,2834.989502 2686.380859,2835.125732 2688.785400,2835.261719
	C2691.574707,2835.475098 2694.363770,2835.688232 2698.520996,2836.210205
	C2696.217285,2842.547119 2694.817383,2850.614746 2684.595215,2852.308105
	C2681.608887,2852.494629 2680.009033,2852.378418 2676.416016,2851.069092
	C2668.821289,2846.220947 2662.866455,2843.616943 2655.056152,2842.652588
	C2644.078613,2838.444580 2634.057373,2835.272461 2623.178711,2830.942871
	C2621.208984,2829.065430 2620.176758,2828.152100 2618.972656,2827.656006
	C2604.249023,2821.591309 2596.307373,2824.026611 2589.445068,2837.301025
	C2587.054443,2841.926025 2585.833984,2847.155518 2583.509277,2853.380615
	C2579.257080,2863.070801 2575.574951,2871.489014 2570.792480,2880.601562
	C2566.604004,2886.269531 2563.516113,2891.243652 2560.427979,2896.217529
	C2556.870117,2895.068115 2553.312500,2893.918701 2548.430420,2892.254883
z"/>
<path fill="#475062" opacity="1.000000" stroke="none"
	d="
M2656.012207,2843.688721
	C2662.866455,2843.616943 2668.821289,2846.220947 2675.209961,2851.021973
	C2675.776855,2856.364746 2674.389160,2860.004150 2670.688232,2862.323730
	C2668.440430,2863.732910 2666.046631,2864.917236 2663.678711,2866.125244
	C2634.644287,2880.941406 2604.547363,2893.171631 2573.440918,2902.884521
	C2570.334717,2903.854248 2566.878418,2903.701416 2562.015625,2904.161621
	C2560.388672,2902.466064 2560.330322,2900.678467 2560.350098,2897.554199
	C2563.516113,2891.243652 2566.604004,2886.269531 2572.362793,2880.604248
	C2600.890137,2874.560059 2624.171143,2862.456055 2647.964355,2851.773193
	C2651.203857,2850.318604 2653.356445,2846.443359 2656.012207,2843.688721
z"/>
<path fill="#071C4A" opacity="1.000000" stroke="none"
	d="
M2840.036377,2724.247559
	C2840.406738,2704.060059 2838.632080,2684.043457 2835.510498,2662.237793
	C2839.311768,2658.730469 2841.780273,2657.203613 2845.245850,2655.771240
	C2846.909180,2655.902100 2847.575684,2655.938721 2848.358398,2657.296387
	C2851.022949,2663.082764 2853.571289,2667.547852 2856.119385,2672.012695
	C2858.669922,2679.009766 2861.220703,2686.006836 2863.991455,2694.385254
	C2861.692383,2699.350098 2859.173096,2702.933594 2856.173340,2707.767090
	C2850.958740,2711.973877 2852.773193,2717.068848 2851.315430,2722.559570
	C2847.817139,2723.981689 2844.711670,2724.067627 2840.036377,2724.247559
z"/>
<path fill="#36476D" opacity="1.000000" stroke="none"
	d="
M2157.326660,2855.940918
	C2155.810791,2854.478027 2155.577393,2852.934082 2155.076904,2850.256836
	C2157.215088,2849.492920 2160.762939,2849.028809 2161.775391,2850.415527
	C2163.578125,2852.884521 2161.331055,2854.945557 2157.326660,2855.940918
z"/>
<path fill="#0F2D6A" opacity="1.000000" stroke="none"
	d="
M2833.434570,2116.028320
	C2831.101074,2115.050781 2829.900879,2114.201172 2829.457520,2113.058350
	C2817.407227,2081.998535 2795.514893,2060.437744 2764.699463,2045.587402
	C2763.895020,2041.395752 2763.949707,2038.233154 2764.029297,2033.488525
	C2795.375488,2041.360352 2816.930908,2062.572998 2833.093506,2089.937012
	C2837.401611,2097.230713 2840.276611,2105.371094 2843.821777,2114.571777
	C2840.863037,2116.020508 2837.891846,2116.020020 2833.434570,2116.028320
z"/>
<path fill="#3D4F76" opacity="1.000000" stroke="none"
	d="
M2858.554688,2151.140625
	C2859.952881,2156.050049 2859.417725,2160.080322 2852.825439,2161.328613
	C2852.459961,2157.635986 2852.114502,2154.143066 2851.971436,2149.262695
	C2853.974854,2148.862549 2855.775879,2149.849609 2858.554688,2151.140625
z"/>
<path fill="#051029" opacity="1.000000" stroke="none"
	d="
M2887.819824,2319.643555
	C2872.659668,2314.219238 2857.795166,2307.091064 2842.633789,2300.662842
	C2827.636719,2294.305176 2810.370605,2295.063232 2794.949951,2286.984863
	C2799.843994,2270.516357 2812.563965,2259.615967 2818.432129,2245.043701
	C2824.092773,2230.986328 2829.358887,2216.770020 2835.447998,2201.316895
	C2839.726074,2200.825439 2843.354492,2201.640381 2847.900391,2203.585449
	C2847.149658,2211.480713 2845.481934,2218.246338 2842.412109,2227.244629
	C2832.285400,2242.936768 2830.922363,2257.084473 2835.738770,2272.413818
	C2837.468018,2277.916504 2839.771484,2281.689453 2844.826172,2284.381104
	C2853.527588,2289.013916 2861.909912,2294.244629 2870.578125,2298.943848
	C2872.146240,2299.793945 2874.443604,2299.299316 2876.404297,2299.425293
	C2881.084961,2301.581299 2885.765625,2303.737305 2891.289062,2306.862061
	C2890.749512,2311.302979 2889.367188,2314.774902 2887.819824,2319.643555
z"/>
<path fill="#4C5467" opacity="1.000000" stroke="none"
	d="
M2676.006836,2018.945557
	C2671.577148,2021.203613 2667.190186,2022.559814 2660.669434,2022.961182
	C2638.988770,2008.308960 2616.364990,2001.185181 2594.617920,1992.215942
	C2587.320312,1989.206177 2579.729980,1986.948242 2571.611328,1988.287476
	C2567.810547,1981.088745 2564.009766,1973.890137 2560.223145,1965.289551
	C2586.216797,1968.550171 2611.240723,1976.265259 2635.071777,1987.649414
	C2645.772949,1992.761475 2656.267578,1998.304565 2666.916992,2003.527466
	C2671.248535,2005.651978 2674.816162,2008.280518 2675.913818,2014.803955
	C2676.080566,2016.238159 2676.049316,2018.043579 2676.006836,2018.945557
z"/>
<path fill="#0F2D6A" opacity="1.000000" stroke="none"
	d="
M2738.946289,2036.877319
	C2739.536133,2037.281982 2738.083008,2037.893799 2738.083008,2037.893799
	C2738.083008,2037.893799 2736.595703,2037.369507 2736.064453,2036.779053
	C2736.506836,2035.963745 2737.447998,2036.058350 2738.946289,2036.877319
z"/>
<path fill="#2B3343" opacity="1.000000" stroke="none"
	d="
M2876.290527,2297.855469
	C2874.443604,2299.299316 2872.146240,2299.793945 2870.578125,2298.943848
	C2861.909912,2294.244629 2853.527588,2289.013916 2844.826172,2284.381104
	C2839.771484,2281.689453 2837.468018,2277.916504 2835.738770,2272.413818
	C2830.922363,2257.084473 2832.285400,2242.936768 2842.249512,2228.765381
	C2846.273926,2229.478271 2850.462646,2230.181152 2851.624756,2232.440918
	C2862.099121,2252.810547 2873.845947,2272.767090 2876.290527,2297.855469
z"/>
<path fill="#4C5467" opacity="1.000000" stroke="none"
	d="
M2857.513672,2671.862793
	C2853.571289,2667.547852 2851.022949,2663.082764 2849.421143,2656.478271
	C2854.196533,2648.268311 2858.909424,2642.576172 2861.695801,2636.060303
	C2871.700684,2612.663818 2881.618408,2589.196533 2889.041016,2563.937500
	C2890.785645,2562.324219 2891.676270,2561.286133 2892.566650,2560.248047
	C2896.571777,2560.009766 2900.576660,2559.771240 2906.071533,2559.416504
	C2906.128174,2567.739014 2905.942627,2576.639160 2903.024902,2584.528809
	C2894.748535,2606.908447 2885.970703,2629.155518 2876.079590,2650.857422
	C2872.442627,2658.837646 2868.747559,2668.196289 2857.513672,2671.862793
z"/>
<path fill="#051029" opacity="1.000000" stroke="none"
	d="
M2891.443359,2559.576904
	C2891.676270,2561.286133 2890.785645,2562.324219 2887.631836,2563.880859
	C2876.869629,2569.550293 2868.370605,2574.700928 2858.395996,2580.042969
	C2851.965820,2581.891357 2846.903076,2583.284180 2842.079102,2585.260254
	C2832.253418,2589.284912 2826.947021,2596.413574 2828.322998,2606.536865
	C2829.511230,2615.278564 2830.056885,2624.646973 2836.446289,2633.391113
	C2838.605957,2641.953857 2845.594971,2647.289551 2844.249023,2655.677002
	C2841.780273,2657.203613 2839.311768,2658.730469 2835.344727,2660.540527
	C2826.085205,2638.235596 2815.580566,2617.064209 2801.782959,2597.503906
	C2798.901367,2593.418457 2797.200684,2588.500000 2795.152588,2584.362793
	C2800.214844,2578.061279 2806.332275,2577.514160 2811.986816,2576.571289
	C2836.311768,2572.514893 2858.986816,2563.986084 2881.875977,2551.780762
	C2885.610107,2553.929443 2887.965088,2556.417480 2891.443359,2559.576904
z"/>
<path fill="#0C1630" opacity="1.000000" stroke="none"
	d="
M1984.331299,2547.352051
	C1985.633667,2546.051025 1986.923340,2546.460938 1988.027954,2547.162109
	C2011.740601,2562.217285 2037.299316,2572.318359 2065.162598,2576.581543
	C2070.230469,2577.357178 2075.067139,2579.643066 2080.559814,2581.408203
	C2080.192871,2584.725586 2080.418945,2587.436768 2079.513916,2589.694824
	C2078.303467,2592.715332 2076.387939,2595.506592 2074.479736,2598.185791
	C2054.128662,2626.754639 2041.432007,2658.279297 2037.068848,2694.714844
	C2028.911499,2696.242432 2024.608032,2691.165771 2019.769531,2684.478027
	C2019.323975,2681.641357 2019.651855,2680.050781 2021.185547,2676.402832
	C2026.778809,2662.991455 2031.166504,2651.637207 2036.290649,2638.909424
	C2039.046265,2631.974854 2041.355591,2626.499268 2043.021118,2620.834717
	C2045.981689,2610.765381 2042.862671,2601.265625 2039.397095,2591.954590
	C2036.511230,2584.201172 2028.839966,2582.329346 2022.370850,2579.516357
	C2015.195190,2576.395752 2007.512085,2574.441650 1999.182617,2571.034668
	C1993.564941,2568.029297 1988.814453,2565.969482 1984.063965,2563.909668
	C1984.120239,2559.005859 1984.176392,2554.102295 1984.331299,2547.352051
z"/>
<path fill="#707B8E" opacity="1.000000" stroke="none"
	d="
M2031.475098,2754.607910
	C2025.124878,2755.816650 2021.519653,2751.431396 2017.688110,2747.141113
	C2015.272583,2744.436523 2012.259277,2742.265625 2008.070435,2739.467285
	C2008.137207,2730.361084 2012.814575,2723.466797 2019.787476,2716.130615
	C2021.356689,2718.782227 2023.010986,2720.611328 2023.598999,2722.735596
	C2026.384521,2732.799316 2028.878906,2742.944092 2031.475098,2754.607910
z"/>
<path fill="#475062" opacity="1.000000" stroke="none"
	d="
M1982.773682,2563.845215
	C1988.814453,2565.969482 1993.564941,2568.029297 1999.317749,2572.512207
	C2003.135498,2582.327637 2005.936157,2589.726318 2008.769653,2597.112061
	C2012.551514,2606.969971 2016.486206,2616.771240 2020.113159,2626.685547
	C2022.831787,2634.116943 2027.452393,2639.104004 2035.554321,2640.283203
	C2031.166504,2651.637207 2026.778809,2662.991455 2021.302979,2675.187988
	C2018.167480,2674.433350 2015.232056,2673.268555 2014.211426,2671.171387
	C2004.780029,2651.792480 1994.835693,2632.594482 1986.751831,2612.650146
	C1980.376343,2596.920410 1973.800415,2580.991943 1971.783936,2562.244873
	C1974.948975,2561.727539 1978.216187,2562.754150 1982.773682,2563.845215
z"/>
<path fill="#1B4EAE" opacity="1.000000" stroke="none"
	d="
M2706.645508,2803.424072
	C2660.342529,2803.751953 2621.894531,2787.112549 2586.947998,2760.806641
	C2581.166016,2756.453857 2576.424316,2750.519287 2568.912598,2748.811523
	C2562.729248,2752.021973 2564.230957,2758.003174 2563.896729,2762.982422
	C2561.805908,2794.145264 2552.409668,2822.986328 2536.959229,2849.987549
	C2525.833008,2869.431396 2511.427002,2885.922119 2491.946289,2897.200439
	C2456.721680,2917.593750 2421.099609,2918.023682 2385.772949,2897.320801
	C2350.199951,2876.473877 2331.214111,2843.400391 2320.514404,2805.140625
	C2315.527344,2787.307129 2313.347168,2768.688721 2309.641113,2749.084229
	C2307.263672,2749.868652 2304.140137,2750.268066 2301.762695,2751.814453
	C2296.749023,2755.075684 2292.108398,2758.913818 2287.345459,2762.555908
	C2257.568848,2785.324219 2224.491455,2800.980713 2186.786865,2802.572510
	C2134.766846,2804.768555 2088.804443,2780.956543 2074.070801,2726.576416
	C2066.763672,2699.606934 2069.972900,2672.503174 2078.792480,2646.069092
	C2087.562256,2619.783203 2102.015869,2596.767334 2119.074219,2575.203125
	C2121.817871,2571.734863 2124.262939,2568.030273 2127.098389,2564.083496
	C2121.679932,2559.328125 2116.083740,2560.785400 2111.067627,2560.492920
	C2072.767822,2558.263916 2038.153687,2545.652100 2007.266357,2523.173340
	C1986.116455,2507.781250 1971.775146,2486.941650 1964.534790,2461.952881
	C1953.997437,2425.585205 1963.800659,2393.450684 1988.155762,2365.520020
	C2010.318359,2340.103516 2038.839966,2324.540283 2071.134766,2316.297119
	C2088.458496,2311.875488 2106.355469,2309.698975 2125.285400,2306.275635
	C2124.206055,2303.894287 2123.368896,2300.983887 2121.735352,2298.624756
	C2114.156250,2287.677979 2105.991455,2277.123047 2098.706055,2265.989502
	C2079.186523,2236.159912 2069.790283,2203.610107 2071.354004,2167.639648
	C2073.418945,2120.143311 2102.939697,2081.740479 2148.695557,2070.058838
	C2167.656494,2065.217773 2187.126465,2066.038330 2206.209473,2069.821777
	C2240.314941,2076.583740 2269.745605,2093.145508 2296.651367,2114.634033
	C2300.214600,2117.479980 2303.848633,2120.236084 2307.180908,2122.824707
	C2313.750488,2119.812988 2311.543945,2114.457520 2311.904785,2110.232910
	C2314.843994,2075.821533 2324.318604,2043.472046 2343.104980,2014.351685
	C2357.104248,1992.651367 2375.439697,1975.075562 2399.563232,1965.181641
	C2441.607422,1947.937866 2486.310059,1960.295898 2516.266846,1992.608521
	C2535.640625,2013.505859 2549.305664,2037.585938 2556.415771,2065.314697
	C2560.389893,2080.813965 2564.336670,2096.275391 2564.444092,2112.436768
	C2564.464600,2115.541748 2565.319092,2118.641357 2565.698730,2121.147705
	C2571.790771,2123.353271 2574.178467,2119.406494 2577.027832,2117.006348
	C2593.948975,2102.752930 2612.389893,2090.967529 2632.513428,2081.731201
	C2659.217773,2069.474365 2687.358398,2064.281494 2716.270752,2068.254395
	C2756.607666,2073.797119 2784.717041,2096.550049 2799.088135,2134.717773
	C2806.157715,2153.493896 2808.631836,2172.887695 2805.093994,2193.500732
	C2799.430664,2226.498291 2786.506836,2255.833740 2766.959961,2282.596191
	C2761.915527,2289.502686 2756.656250,2296.252441 2752.191650,2302.153809
	C2753.968506,2308.082031 2757.612061,2307.678711 2760.776611,2308.076416
	C2783.273926,2310.905273 2805.332031,2315.364014 2826.812256,2322.999268
	C2853.441406,2332.464355 2874.834961,2348.929199 2892.153809,2370.659912
	C2907.032227,2389.328857 2915.716309,2410.691895 2915.847900,2435.067139
	C2915.995605,2462.437256 2906.020996,2485.840820 2887.838379,2505.752197
	C2867.115479,2528.445801 2841.399170,2543.410400 2812.019043,2551.989990
	C2795.393555,2556.845459 2778.587646,2561.036865 2761.007324,2560.579590
	C2758.512207,2560.514893 2755.988770,2561.553223 2754.220215,2561.924805
	C2751.136963,2566.071777 2752.633789,2568.941895 2754.608154,2571.763672
	C2763.758789,2584.845215 2773.333008,2597.655029 2781.966553,2611.069824
	C2798.259521,2636.386719 2806.611816,2665.073242 2806.268311,2694.441406
	C2805.677979,2744.887451 2782.501465,2785.112061 2726.021484,2799.848633
	C2720.234863,2801.358398 2714.271729,2802.189941 2706.645508,2803.424072
M2844.979736,2348.526367
	C2814.099121,2331.151367 2780.955811,2322.698242 2745.515137,2323.243408
	C2740.851807,2323.315186 2736.184814,2323.189209 2731.520020,2323.130371
	C2727.294678,2323.077148 2722.603760,2321.939453 2721.869873,2317.794922
	C2721.281006,2314.471191 2722.968750,2309.873535 2725.204102,2307.093750
	C2730.614258,2300.364990 2736.994141,2294.423340 2742.876221,2288.065918
	C2762.653564,2266.690186 2776.798096,2242.080322 2785.187988,2214.170898
	C2792.011719,2191.471191 2794.736084,2168.733887 2787.757812,2145.418945
	C2778.047852,2112.975342 2748.531006,2087.199951 2716.173828,2083.679199
	C2681.883789,2079.948242 2649.930176,2087.012939 2620.436768,2104.872070
	C2600.410889,2116.998535 2581.733887,2130.865723 2565.946289,2148.335449
	C2563.042969,2151.548096 2559.403564,2153.246094 2555.244629,2151.473389
	C2551.138184,2149.722900 2549.506836,2146.034424 2550.041992,2141.677490
	C2552.850830,2118.822266 2549.103760,2096.437256 2543.571289,2074.559326
	C2535.929932,2044.341919 2522.065186,2016.991089 2498.127930,1996.206787
	C2460.562500,1963.589355 2412.698975,1964.456909 2376.751953,1997.382568
	C2346.272461,2025.300415 2332.963135,2062.020264 2328.094727,2101.985840
	C2326.424316,2115.697998 2322.730225,2129.487549 2325.809814,2143.677734
	C2326.283936,2145.862061 2323.221924,2149.677734 2320.823242,2151.316650
	C2319.230469,2152.405029 2315.426514,2151.721924 2313.467041,2150.481689
	C2310.154785,2148.385254 2307.370361,2145.361084 2304.624023,2142.479492
	C2289.315186,2126.417969 2271.836914,2113.050781 2252.313721,2102.735840
	C2223.005615,2087.250732 2192.294922,2077.880859 2158.403809,2083.570557
	C2124.320557,2089.292236 2097.135742,2112.711670 2088.673828,2149.273926
	C2082.166748,2177.389160 2086.241211,2204.826416 2097.205322,2231.234619
	C2107.551514,2256.154785 2122.786377,2277.889160 2141.749756,2297.036377
	C2145.500732,2300.823975 2149.753906,2304.231445 2152.878662,2308.474609
	C2154.581299,2310.786865 2155.682861,2315.001221 2154.713135,2317.417480
	C2153.718750,2319.895020 2149.975830,2322.596680 2147.246582,2322.812988
	C2137.304443,2323.601318 2127.272461,2323.156494 2117.293457,2323.601807
	C2088.226074,2324.898682 2060.776855,2332.333252 2035.364990,2346.554443
	C2012.146118,2359.548340 1993.042969,2376.762207 1982.733276,2402.001709
	C1969.737183,2433.817383 1974.191406,2463.487793 1995.626709,2490.126221
	C2011.377686,2509.700684 2031.464233,2523.620850 2055.033691,2532.717285
	C2081.470947,2542.920654 2108.796631,2547.584473 2137.018799,2547.747803
	C2141.664795,2547.774658 2146.347412,2547.816895 2150.942139,2548.404541
	C2154.563232,2548.867920 2156.920166,2555.017090 2154.850586,2558.158447
	C2153.406738,2560.349854 2151.569092,2562.292236 2149.824707,2564.273682
	C2141.030273,2574.260742 2131.790039,2583.888428 2123.478516,2594.260986
	C2102.160400,2620.865967 2088.484619,2651.253174 2085.261230,2685.107422
	C2082.128418,2718.010742 2091.796387,2747.584717 2118.849854,2768.500977
	C2142.194580,2786.549805 2169.560303,2791.475830 2198.384277,2786.386719
	C2234.791748,2779.959473 2266.265381,2763.408447 2293.080078,2737.981689
	C2298.881592,2732.480469 2304.504150,2726.777344 2310.509277,2721.509277
	C2313.426758,2718.949951 2317.252197,2715.772705 2321.095947,2718.697510
	C2323.261719,2720.345459 2324.484863,2724.209717 2324.759033,2727.201416
	C2326.094482,2741.767334 2326.154785,2756.488525 2328.159180,2770.947754
	C2333.502197,2809.490234 2347.708008,2843.798584 2376.151367,2871.728271
	C2405.463623,2900.510986 2452.989014,2905.644043 2488.271729,2881.642578
	C2511.169189,2866.066650 2525.520508,2843.861572 2535.756836,2818.838135
	C2546.989502,2791.379150 2550.952637,2762.437256 2551.310059,2732.923096
	C2551.381592,2727.014404 2550.089600,2719.992920 2557.603760,2717.840576
	C2563.843750,2716.052979 2566.827881,2722.090088 2570.382568,2725.763916
	C2586.724365,2742.653809 2604.837646,2757.224365 2625.785889,2767.988525
	C2650.972656,2780.930908 2677.248535,2789.923340 2706.144043,2788.109619
	C2724.496582,2786.957275 2741.600830,2781.877441 2756.062500,2770.127197
	C2782.391357,2748.734375 2793.545654,2720.375244 2791.144775,2687.126709
	C2789.606201,2665.822266 2784.200195,2645.214355 2773.685791,2626.139160
	C2762.352295,2605.577393 2749.131348,2586.545654 2732.153076,2570.237549
	C2729.272705,2567.470947 2725.811035,2565.049561 2723.770508,2561.754883
	C2722.254395,2559.306396 2721.358154,2555.112061 2722.466553,2552.778320
	C2723.599854,2550.391113 2727.489258,2549.281982 2730.230957,2547.716797
	C2730.747803,2547.421875 2731.552246,2547.513916 2732.204834,2547.590820
	C2749.003906,2549.570312 2765.463623,2546.142090 2781.856445,2543.727539
	C2821.476074,2537.891602 2855.709961,2521.182373 2881.118652,2489.458252
	C2903.026611,2462.105225 2906.949463,2431.878906 2892.544189,2399.580811
	C2882.961914,2378.096436 2866.919922,2362.545166 2844.979736,2348.526367
z"/>
<path fill="#334467" opacity="1.000000" stroke="none"
	d="
M2687.884766,2834.429443
	C2686.380859,2835.125732 2683.976562,2834.989502 2680.710693,2833.951172
	C2682.227539,2833.231934 2684.605957,2833.414551 2687.884766,2834.429443
z"/>
<path fill="#2B3343" opacity="1.000000" stroke="none"
	d="
M2237.126465,2032.385742
	C2236.230957,2025.759155 2239.546387,2022.082886 2244.814941,2019.643066
	C2261.656494,2011.843506 2278.492920,2004.057129 2298.275391,1999.919189
	C2297.352783,2005.243164 2293.965332,2010.433594 2292.641357,2016.105835
	C2289.636963,2028.974609 2281.984619,2036.926147 2269.765381,2041.015625
	C2267.913574,2041.635498 2266.088135,2042.334106 2263.190430,2043.378174
	C2255.355225,2040.113159 2246.883301,2036.582886 2237.126465,2032.385742
z"/>
<path fill="#2B3343" opacity="1.000000" stroke="none"
	d="
M2001.843018,2296.214844
	C2005.232910,2275.782715 2011.591187,2255.776123 2021.588623,2237.126953
	C2023.347656,2233.845459 2026.507935,2231.315186 2030.379883,2228.196777
	C2035.475708,2235.544922 2039.911377,2242.893311 2042.652344,2250.827148
	C2043.998413,2254.723633 2042.972290,2259.948975 2041.647461,2264.139160
	C2039.675659,2270.375244 2036.488403,2276.227051 2033.031982,2284.014160
	C2023.937744,2287.723145 2013.630249,2291.926758 2001.843018,2296.214844
z"/>
<path fill="#384052" opacity="1.000000" stroke="none"
	d="
M2571.823242,1989.645996
	C2579.729980,1986.948242 2587.320312,1989.206177 2594.617920,1992.215942
	C2616.364990,2001.185181 2638.988770,2008.308960 2659.299316,2023.175537
	C2652.710205,2030.434326 2644.477783,2034.618164 2633.265137,2034.609375
	C2628.851074,2026.091309 2621.757812,2024.535767 2615.869141,2022.262817
	C2605.434570,2018.235718 2594.510254,2015.477539 2583.791016,2012.188477
	C2579.872314,2005.127197 2575.953857,1998.065918 2571.823242,1989.645996
z"/>
<path fill="#242D40" opacity="1.000000" stroke="none"
	d="
M2583.858398,2013.706055
	C2594.510254,2015.477539 2605.434570,2018.235718 2615.869141,2022.262817
	C2621.757812,2024.535767 2628.851074,2026.091309 2631.802734,2034.686523
	C2625.508545,2043.922729 2615.625977,2043.794067 2608.019531,2047.068237
	C2592.829834,2041.013062 2585.320312,2030.361938 2583.858398,2013.706055
z"/>
<path fill="#384052" opacity="1.000000" stroke="none"
	d="
M2304.000488,2878.535645
	C2301.511963,2879.912354 2298.621582,2880.617432 2296.270264,2879.790771
	C2270.324463,2870.668945 2243.366455,2863.756836 2220.549805,2845.003418
	C2224.448730,2838.564941 2230.372803,2836.465576 2239.819824,2836.030518
	C2245.444580,2837.766113 2248.275146,2839.220947 2251.000000,2840.851807
	C2263.752930,2848.484375 2276.787354,2855.317383 2292.115723,2855.902588
	C2296.026855,2862.985840 2299.937988,2870.069092 2304.000488,2878.535645
z"/>
<path fill="#242D40" opacity="1.000000" stroke="none"
	d="
M2292.077148,2854.391113
	C2276.787354,2855.317383 2263.752930,2848.484375 2251.000000,2840.851807
	C2248.275146,2839.220947 2245.444580,2837.766113 2241.227539,2835.980957
	C2242.707275,2833.284424 2245.284180,2830.088867 2248.623291,2828.582031
	C2252.697266,2826.743896 2257.404541,2826.293701 2261.850098,2825.297607
	C2273.246826,2822.743408 2280.631348,2825.859131 2286.057373,2836.452881
	C2288.693359,2841.599854 2290.084229,2847.384033 2292.077148,2854.391113
z"/>
<path fill="#313A4D" opacity="1.000000" stroke="none"
	d="
M2655.056152,2842.652588
	C2653.356445,2846.443359 2651.203857,2850.318604 2647.964355,2851.773193
	C2624.171143,2862.456055 2600.890137,2874.560059 2573.463379,2879.910156
	C2575.574951,2871.489014 2579.257080,2863.070801 2585.084229,2853.331299
	C2599.103027,2853.052246 2608.074707,2844.854736 2618.737305,2841.943359
	C2622.724609,2840.854736 2623.733154,2836.203857 2624.036133,2832.100586
	C2634.057373,2835.272461 2644.078613,2838.444580 2655.056152,2842.652588
z"/>
<path fill="#1B2435" opacity="1.000000" stroke="none"
	d="
M2623.178711,2830.942871
	C2623.733154,2836.203857 2622.724609,2840.854736 2618.737305,2841.943359
	C2608.074707,2844.854736 2599.103027,2853.052246 2585.654297,2852.059326
	C2585.833984,2847.155518 2587.054443,2841.926025 2589.445068,2837.301025
	C2596.307373,2824.026611 2604.249023,2821.591309 2618.972656,2827.656006
	C2620.176758,2828.152100 2621.208984,2829.065430 2623.178711,2830.942871
z"/>
<path fill="#384052" opacity="1.000000" stroke="none"
	d="
M2845.245850,2655.771240
	C2845.594971,2647.289551 2838.605957,2641.953857 2837.645020,2632.737793
	C2851.152832,2615.991211 2854.929443,2597.678467 2859.871582,2579.851562
	C2868.370605,2574.700928 2876.869629,2569.550293 2886.777832,2564.456055
	C2881.618408,2589.196533 2871.700684,2612.663818 2861.695801,2636.060303
	C2858.909424,2642.576172 2854.196533,2648.268311 2849.304688,2655.156738
	C2847.575684,2655.938721 2846.909180,2655.902100 2845.245850,2655.771240
z"/>
<path fill="#242D40" opacity="1.000000" stroke="none"
	d="
M2858.395996,2580.042969
	C2854.929443,2597.678467 2851.152832,2615.991211 2837.488770,2631.336426
	C2830.056885,2624.646973 2829.511230,2615.278564 2828.322998,2606.536865
	C2826.947021,2596.413574 2832.253418,2589.284912 2842.079102,2585.260254
	C2846.903076,2583.284180 2851.965820,2581.891357 2858.395996,2580.042969
z"/>
<path fill="#2B3343" opacity="1.000000" stroke="none"
	d="
M2036.290649,2638.909424
	C2027.452393,2639.104004 2022.831787,2634.116943 2020.113159,2626.685547
	C2016.486206,2616.771240 2012.551514,2606.969971 2008.769653,2597.112061
	C2005.936157,2589.726318 2003.135498,2582.327637 2000.185059,2573.457275
	C2007.512085,2574.441650 2015.195190,2576.395752 2022.370850,2579.516357
	C2028.839966,2582.329346 2036.511230,2584.201172 2039.397095,2591.954590
	C2042.862671,2601.265625 2045.981689,2610.765381 2043.021118,2620.834717
	C2041.355591,2626.499268 2039.046265,2631.974854 2036.290649,2638.909424
z"/>
<path fill="#89ACF1" opacity="1.000000" stroke="none"
	d="
M2846.231445,2349.291016
	C2866.919922,2362.545166 2882.961914,2378.096436 2892.544189,2399.580811
	C2906.949463,2431.878906 2903.026611,2462.105225 2881.118652,2489.458252
	C2855.709961,2521.182373 2821.476074,2537.891602 2781.856445,2543.727539
	C2765.463623,2546.142090 2749.003906,2549.570312 2732.204834,2547.590820
	C2731.552246,2547.513916 2730.747803,2547.421875 2730.230957,2547.716797
	C2727.489258,2549.281982 2723.599854,2550.391113 2722.466553,2552.778320
	C2721.358154,2555.112061 2722.254395,2559.306396 2723.770508,2561.754883
	C2725.811035,2565.049561 2729.272705,2567.470947 2732.153076,2570.237549
	C2749.131348,2586.545654 2762.352295,2605.577393 2773.685791,2626.139160
	C2784.200195,2645.214355 2789.606201,2665.822266 2791.144775,2687.126709
	C2793.545654,2720.375244 2782.391357,2748.734375 2756.062500,2770.127197
	C2741.600830,2781.877441 2724.496582,2786.957275 2706.144043,2788.109619
	C2677.248535,2789.923340 2650.972656,2780.930908 2625.785889,2767.988525
	C2604.837646,2757.224365 2586.724365,2742.653809 2570.382568,2725.763916
	C2566.827881,2722.090088 2563.843750,2716.052979 2557.603760,2717.840576
	C2550.089600,2719.992920 2551.381592,2727.014404 2551.310059,2732.923096
	C2550.952637,2762.437256 2546.989502,2791.379150 2535.756836,2818.838135
	C2525.520508,2843.861572 2511.169189,2866.066650 2488.271729,2881.642578
	C2452.989014,2905.644043 2405.463623,2900.510986 2376.151367,2871.728271
	C2347.708008,2843.798584 2333.502197,2809.490234 2328.159180,2770.947754
	C2326.154785,2756.488525 2326.094482,2741.767334 2324.759033,2727.201416
	C2324.484863,2724.209717 2323.261719,2720.345459 2321.095947,2718.697510
	C2317.252197,2715.772705 2313.426758,2718.949951 2310.509277,2721.509277
	C2304.504150,2726.777344 2298.881592,2732.480469 2293.080078,2737.981689
	C2266.265381,2763.408447 2234.791748,2779.959473 2198.384277,2786.386719
	C2169.560303,2791.475830 2142.194580,2786.549805 2118.849854,2768.500977
	C2091.796387,2747.584717 2082.128418,2718.010742 2085.261230,2685.107422
	C2088.484619,2651.253174 2102.160400,2620.865967 2123.478516,2594.260986
	C2131.790039,2583.888428 2141.030273,2574.260742 2149.824707,2564.273682
	C2151.569092,2562.292236 2153.406738,2560.349854 2154.850586,2558.158447
	C2156.920166,2555.017090 2154.563232,2548.867920 2150.942139,2548.404541
	C2146.347412,2547.816895 2141.664795,2547.774658 2137.018799,2547.747803
	C2108.796631,2547.584473 2081.470947,2542.920654 2055.033691,2532.717285
	C2031.464233,2523.620850 2011.377686,2509.700684 1995.626709,2490.126221
	C1974.191406,2463.487793 1969.737183,2433.817383 1982.733276,2402.001709
	C1993.042969,2376.762207 2012.146118,2359.548340 2035.364990,2346.554443
	C2060.776855,2332.333252 2088.226074,2324.898682 2117.293457,2323.601807
	C2127.272461,2323.156494 2137.304443,2323.601318 2147.246582,2322.812988
	C2149.975830,2322.596680 2153.718750,2319.895020 2154.713135,2317.417480
	C2155.682861,2315.001221 2154.581299,2310.786865 2152.878662,2308.474609
	C2149.753906,2304.231445 2145.500732,2300.823975 2141.749756,2297.036377
	C2122.786377,2277.889160 2107.551514,2256.154785 2097.205322,2231.234619
	C2086.241211,2204.826416 2082.166748,2177.389160 2088.673828,2149.273926
	C2097.135742,2112.711670 2124.320557,2089.292236 2158.403809,2083.570557
	C2192.294922,2077.880859 2223.005615,2087.250732 2252.313721,2102.735840
	C2271.836914,2113.050781 2289.315186,2126.417969 2304.624023,2142.479492
	C2307.370361,2145.361084 2310.154785,2148.385254 2313.467041,2150.481689
	C2315.426514,2151.721924 2319.230469,2152.405029 2320.823242,2151.316650
	C2323.221924,2149.677734 2326.283936,2145.862061 2325.809814,2143.677734
	C2322.730225,2129.487549 2326.424316,2115.697998 2328.094727,2101.985840
	C2332.963135,2062.020264 2346.272461,2025.300415 2376.751953,1997.382568
	C2412.698975,1964.456909 2460.562500,1963.589355 2498.127930,1996.206787
	C2522.065186,2016.991089 2535.929932,2044.341919 2543.571289,2074.559326
	C2549.103760,2096.437256 2552.850830,2118.822266 2550.041992,2141.677490
	C2549.506836,2146.034424 2551.138184,2149.722900 2555.244629,2151.473389
	C2559.403564,2153.246094 2563.042969,2151.548096 2565.946289,2148.335449
	C2581.733887,2130.865723 2600.410889,2116.998535 2620.436768,2104.872070
	C2649.930176,2087.012939 2681.883789,2079.948242 2716.173828,2083.679199
	C2748.531006,2087.199951 2778.047852,2112.975342 2787.757812,2145.418945
	C2794.736084,2168.733887 2792.011719,2191.471191 2785.187988,2214.170898
	C2776.798096,2242.080322 2762.653564,2266.690186 2742.876221,2288.065918
	C2736.994141,2294.423340 2730.614258,2300.364990 2725.204102,2307.093750
	C2722.968750,2309.873535 2721.281006,2314.471191 2721.869873,2317.794922
	C2722.603760,2321.939453 2727.294678,2323.077148 2731.520020,2323.130371
	C2736.184814,2323.189209 2740.851807,2323.315186 2745.515137,2323.243408
	C2780.955811,2322.698242 2814.099121,2331.151367 2846.231445,2349.291016
M2521.751221,2703.371826
	C2531.549805,2699.720459 2541.393311,2696.184326 2551.132324,2692.379883
	C2558.453369,2689.520264 2565.640137,2686.316650 2575.591309,2683.955566
	C2577.965088,2685.125732 2580.465576,2686.094727 2582.693848,2687.496338
	C2610.434570,2704.944580 2640.655518,2716.682373 2671.974121,2725.630859
	C2689.766602,2730.714600 2707.612549,2736.206299 2726.369141,2736.427002
	C2730.680176,2736.478027 2735.010986,2734.867920 2738.986572,2734.089844
	C2741.974854,2721.319336 2738.862549,2710.489990 2736.644043,2699.438965
	C2728.621094,2659.473389 2714.799072,2621.687744 2694.928955,2586.133789
	C2692.080322,2581.036377 2688.175781,2576.529053 2684.125244,2569.296387
	C2683.715088,2567.658936 2683.304688,2566.021729 2685.623047,2563.268066
	C2697.884277,2549.652588 2703.891357,2533.117676 2710.503418,2514.275879
	C2717.495605,2512.189209 2724.462158,2510.011719 2731.484131,2508.030273
	C2776.842529,2495.229492 2817.529297,2473.143311 2855.328613,2445.442383
	C2858.785156,2442.909180 2860.985352,2438.661377 2863.662842,2435.341553
	C2858.270264,2425.800293 2850.354248,2420.854492 2842.727783,2415.570801
	C2800.717041,2386.464355 2754.881104,2366.097656 2703.818359,2352.407471
	C2702.608154,2349.430664 2700.605957,2346.525635 2700.329590,2343.464600
	C2699.301025,2332.074707 2692.963867,2322.951172 2687.907471,2313.339111
	C2686.641113,2310.932129 2683.091064,2309.726074 2680.906250,2305.610840
	C2682.248535,2302.814453 2683.590820,2300.017822 2687.122559,2295.520264
	C2714.866699,2253.083252 2730.076904,2205.914795 2739.309326,2156.545898
	C2740.271973,2151.397217 2740.056396,2145.935791 2739.710693,2140.663818
	C2739.417969,2136.197266 2736.209229,2133.591309 2731.889160,2132.929688
	C2729.305664,2132.534668 2726.554443,2132.550781 2723.969482,2132.958496
	C2683.036133,2139.421143 2643.626953,2150.989746 2606.469238,2169.454590
	C2595.870361,2174.721436 2586.139648,2181.734863 2574.136475,2188.121094
	C2574.136475,2188.121094 2572.288086,2188.473389 2569.406738,2187.834473
	C2555.731689,2179.487793 2541.008789,2173.601807 2525.504639,2169.791992
	C2521.252930,2168.747314 2519.798096,2171.906006 2518.740967,2174.863770
	C2518.740967,2174.863770 2517.342773,2174.085205 2517.737549,2170.889893
	C2516.452393,2164.387207 2515.417969,2157.822754 2513.841553,2151.391357
	C2502.620605,2105.614502 2481.584473,2064.427002 2454.670654,2026.069580
	C2440.855957,2006.381104 2435.671875,2006.436890 2421.573975,2026.389648
	C2398.427979,2059.148193 2380.258789,2094.449951 2368.186768,2132.783691
	C2364.410645,2144.774658 2360.727051,2156.794189 2353.904541,2168.590820
	C2342.233154,2173.307373 2330.559814,2178.019043 2318.891357,2182.742432
	C2314.899658,2184.358154 2312.300049,2187.116943 2309.119385,2190.999512
	C2307.900146,2190.472900 2306.564209,2190.120850 2305.478027,2189.394775
	C2259.837158,2158.895996 2208.920166,2142.496582 2155.338623,2133.289062
	C2149.567383,2132.297363 2143.508545,2130.814941 2138.054199,2135.016113
	C2134.401123,2141.345459 2135.820801,2148.077393 2136.965332,2154.461426
	C2145.466309,2201.881104 2159.187256,2247.481201 2184.451172,2289.026855
	C2188.926025,2296.386230 2192.598633,2304.233154 2193.772217,2312.372803
	C2191.489502,2314.600830 2188.548096,2316.456299 2187.039062,2319.122314
	C2180.795898,2330.153076 2176.605469,2341.953369 2172.972168,2355.374268
	C2171.380859,2355.902344 2169.789551,2356.430420 2165.132812,2356.728516
	C2144.901367,2363.309082 2124.327148,2369.003906 2104.519531,2376.678711
	C2075.164062,2388.053467 2048.639160,2404.825928 2023.283691,2423.357910
	C2018.648804,2426.745605 2012.975952,2430.015625 2013.835083,2438.193359
	C2015.841675,2440.042969 2018.109863,2442.453369 2020.690063,2444.462646
	C2046.600708,2464.640381 2074.699463,2481.293701 2105.068359,2493.606689
	C2125.322754,2501.818848 2145.657471,2510.568359 2169.304932,2513.653809
	C2170.356201,2514.428711 2171.502441,2515.019043 2172.746094,2518.406494
	C2177.286377,2529.697754 2181.757812,2541.017578 2186.401611,2552.266113
	C2188.201416,2556.625000 2190.975586,2560.070068 2195.806152,2562.225342
	C2195.457275,2563.689697 2195.108398,2565.154297 2192.616211,2568.345947
	C2163.401855,2612.211670 2146.790771,2660.930664 2137.350586,2712.369629
	C2136.044434,2719.487061 2134.615479,2726.790283 2137.760742,2733.820801
	C2146.619629,2737.299561 2146.640869,2737.464111 2152.755615,2736.677490
	C2189.909668,2731.896973 2225.415283,2721.198242 2259.422607,2705.738281
	C2274.502686,2698.882568 2288.926025,2690.582520 2306.821289,2683.501465
	C2311.825439,2684.904053 2316.882324,2686.144287 2321.823486,2687.741455
	C2333.550537,2691.532715 2343.488037,2700.980713 2358.368408,2700.897217
	C2359.225830,2703.139404 2360.083496,2705.381836 2360.684570,2710.712646
	C2372.115723,2759.834473 2394.025391,2804.057373 2422.478027,2845.460205
	C2434.281006,2862.635498 2441.646973,2863.653809 2454.209717,2844.836182
	C2469.354004,2822.152344 2483.737549,2799.108398 2494.543701,2774.081299
	C2504.251221,2751.599365 2513.282227,2728.779541 2517.489746,2703.603027
	C2517.489746,2703.603027 2518.650635,2703.071533 2521.751221,2703.371826
z"/>
<path fill="#174BAC" opacity="1.000000" stroke="none"
	d="
M2167.947998,2512.279785
	C2145.657471,2510.568359 2125.322754,2501.818848 2105.068359,2493.606689
	C2074.699463,2481.293701 2046.600708,2464.640381 2020.690063,2444.462646
	C2018.109863,2442.453369 2015.841675,2440.042969 2013.835083,2438.193359
	C2012.975952,2430.015625 2018.648804,2426.745605 2023.283691,2423.357910
	C2048.639160,2404.825928 2075.164062,2388.053467 2104.519531,2376.678711
	C2124.327148,2369.003906 2144.901367,2363.309082 2166.714355,2358.330566
	C2168.541992,2363.414795 2169.398193,2366.558350 2173.368652,2367.443848
	C2177.745850,2368.420410 2182.162109,2369.220947 2187.588379,2370.302979
	C2184.843750,2384.793213 2182.291748,2398.267334 2178.254639,2412.020020
	C2174.324219,2414.285645 2170.177979,2415.966309 2169.753906,2418.318115
	C2168.506836,2425.234131 2167.882812,2432.510254 2168.645996,2439.466309
	C2169.313721,2445.549561 2174.528320,2449.299316 2179.838867,2453.966797
	C2180.895020,2463.327881 2182.086426,2470.942139 2182.851562,2478.598633
	C2183.361328,2483.701904 2183.366943,2488.865967 2183.354492,2494.002197
	C2183.351807,2495.138916 2182.322266,2496.273193 2181.477051,2497.997070
	C2177.782227,2499.349609 2173.644531,2500.864258 2169.162109,2502.505127
	C2168.733398,2505.957520 2168.340576,2509.118652 2167.947998,2512.279785
M2149.840332,2376.062256
	C2142.297852,2378.597900 2134.777100,2381.200195 2127.209229,2383.657715
	C2097.919678,2393.168457 2071.516113,2408.333008 2046.019043,2425.220947
	C2041.774780,2428.031982 2036.668823,2430.759521 2037.799316,2437.351807
	C2072.843262,2464.642334 2132.664062,2492.292236 2161.158203,2494.298584
	C2165.801758,2488.480713 2164.253174,2481.768066 2163.086670,2475.398193
	C2158.266846,2449.071289 2158.220215,2422.817627 2163.117920,2396.497314
	C2164.445312,2389.362305 2164.817871,2382.092285 2162.414307,2373.769775
	C2158.890137,2374.348633 2155.873291,2374.844238 2149.840332,2376.062256
z"/>
<path fill="#2051AD" opacity="1.000000" stroke="none"
	d="
M2196.641846,2311.854980
	C2192.598633,2304.233154 2188.926025,2296.386230 2184.451172,2289.026855
	C2159.187256,2247.481201 2145.466309,2201.881104 2136.965332,2154.461426
	C2135.820801,2148.077393 2134.401123,2141.345459 2138.054199,2135.016113
	C2143.508545,2130.814941 2149.567383,2132.297363 2155.338623,2133.289062
	C2208.920166,2142.496582 2259.837158,2158.895996 2305.478027,2189.394775
	C2306.564209,2190.120850 2307.900146,2190.472900 2311.005371,2192.308594
	C2315.382568,2195.450439 2317.873779,2197.283203 2319.665527,2200.319336
	C2314.982178,2203.860596 2310.998291,2206.198242 2306.125977,2208.312988
	C2304.065674,2207.685303 2302.861084,2207.518311 2300.686035,2206.600098
	C2294.671387,2202.246338 2289.594482,2198.881348 2283.590332,2194.485352
	C2245.569580,2171.922363 2206.111328,2156.799072 2163.706055,2149.754883
	C2160.681152,2149.252686 2157.500488,2149.689453 2153.006836,2149.689453
	C2153.006836,2154.243896 2152.505859,2157.472656 2153.083008,2160.495117
	C2160.352051,2198.552246 2172.326172,2235.021240 2190.784668,2269.180908
	C2194.225830,2275.549072 2198.805176,2281.302246 2202.975586,2288.343750
	C2204.675781,2291.528076 2206.259033,2293.708008 2207.731445,2297.065918
	C2207.481934,2299.020752 2207.343262,2299.797119 2206.105957,2301.040527
	C2201.190674,2303.968506 2200.229248,2307.720459 2199.381592,2311.875732
	C2198.469482,2311.815430 2196.641846,2311.854980 2196.641846,2311.854980
z"/>
<path fill="#1B4EAE" opacity="1.000000" stroke="none"
	d="
M2357.001465,2168.800781
	C2360.727051,2156.794189 2364.410645,2144.774658 2368.186768,2132.783691
	C2380.258789,2094.449951 2398.427979,2059.148193 2421.573975,2026.389648
	C2435.671875,2006.436890 2440.855957,2006.381104 2454.670654,2026.069580
	C2481.584473,2064.427002 2502.620605,2105.614502 2513.841553,2151.391357
	C2515.417969,2157.822754 2516.452393,2164.387207 2515.965576,2173.124023
	C2511.968018,2175.672119 2509.742188,2175.985840 2506.611084,2176.207031
	C2505.705566,2176.114502 2503.877686,2176.024414 2503.837402,2174.688477
	C2502.575439,2170.223633 2501.354004,2167.094482 2500.042969,2162.385254
	C2490.765625,2115.916992 2462.868652,2057.938477 2438.617188,2033.328979
	C2437.453369,2033.791138 2435.957764,2033.947266 2435.190186,2034.777100
	C2432.948486,2037.199829 2430.836182,2039.780029 2428.956787,2042.494873
	C2405.693848,2076.098877 2388.839844,2112.708008 2377.945068,2152.063477
	C2376.896484,2155.852783 2376.740234,2159.889404 2375.563965,2164.954590
	C2374.269043,2169.384521 2373.580078,2172.670898 2372.630371,2176.935059
	C2372.284912,2178.582520 2372.200439,2179.252197 2371.160645,2179.992432
	C2370.205322,2180.062744 2368.324951,2180.430908 2366.870605,2180.280273
	C2362.508789,2180.290283 2359.601807,2180.450684 2356.552734,2179.133057
	C2356.607666,2174.703613 2356.804688,2171.752197 2357.001465,2168.800781
z"/>
<path fill="#1B4EAE" opacity="1.000000" stroke="none"
	d="
M2704.910156,2355.156982
	C2754.881104,2366.097656 2800.717041,2386.464355 2842.727783,2415.570801
	C2850.354248,2420.854492 2858.270264,2425.800293 2863.662842,2435.341553
	C2860.985352,2438.661377 2858.785156,2442.909180 2855.328613,2445.442383
	C2817.529297,2473.143311 2776.842529,2495.229492 2731.484131,2508.030273
	C2724.462158,2510.011719 2717.495605,2512.189209 2707.987305,2514.652344
	C2704.693604,2514.762451 2703.916016,2514.496338 2703.306152,2512.966797
	C2704.121582,2505.874512 2700.320801,2504.329346 2695.865234,2502.764160
	C2696.059326,2501.926758 2696.505859,2500.266113 2697.895020,2500.202148
	C2703.566895,2498.971924 2707.849365,2497.806152 2713.725586,2496.529785
	C2757.824219,2487.800293 2822.839111,2455.655518 2839.798096,2434.874023
	C2817.738770,2412.303955 2764.856445,2385.772949 2719.371094,2374.079834
	C2713.768066,2372.476807 2709.198730,2371.768066 2703.979004,2370.424316
	C2702.239746,2369.046143 2701.076172,2368.901123 2698.759521,2368.982178
	C2697.015625,2368.239990 2696.350586,2367.870850 2695.739746,2366.049805
	C2695.841064,2361.689941 2695.888672,2358.782471 2697.434570,2355.799805
	C2700.925049,2355.535645 2702.917725,2355.346436 2704.910156,2355.156982
z"/>
<path fill="#2051AD" opacity="1.000000" stroke="none"
	d="
M2303.647461,2682.937988
	C2288.926025,2690.582520 2274.502686,2698.882568 2259.422607,2705.738281
	C2225.415283,2721.198242 2189.909668,2731.896973 2152.755615,2736.677490
	C2146.640869,2737.464111 2146.619629,2737.299561 2137.760742,2733.820801
	C2134.615479,2726.790283 2136.044434,2719.487061 2137.350586,2712.369629
	C2146.790771,2660.930664 2163.401855,2612.211670 2194.160889,2568.922363
	C2196.705078,2574.147461 2200.054688,2575.788574 2204.007812,2577.428223
	C2202.195801,2581.519775 2200.709717,2584.423096 2198.093750,2588.147949
	C2176.052246,2626.403320 2161.211670,2666.060547 2153.569580,2708.302734
	C2152.929199,2711.842773 2153.737305,2715.645264 2153.869141,2719.229004
	C2184.731689,2720.112305 2246.380615,2699.083984 2284.872070,2675.305908
	C2288.645508,2673.997070 2291.315674,2672.824219 2295.474365,2672.061035
	C2300.822266,2673.750732 2304.681885,2675.030273 2308.050781,2677.229004
	C2306.255859,2679.744629 2304.951660,2681.341309 2303.647461,2682.937988
z"/>
<path fill="#2051AD" opacity="1.000000" stroke="none"
	d="
M2684.759766,2571.748779
	C2688.175781,2576.529053 2692.080322,2581.036377 2694.928955,2586.133789
	C2714.799072,2621.687744 2728.621094,2659.473389 2736.644043,2699.438965
	C2738.862549,2710.489990 2741.974854,2721.319336 2738.986572,2734.089844
	C2735.010986,2734.867920 2730.680176,2736.478027 2726.369141,2736.427002
	C2707.612549,2736.206299 2689.766602,2730.714600 2671.974121,2725.630859
	C2640.655518,2716.682373 2610.434570,2704.944580 2582.693848,2687.496338
	C2580.465576,2686.094727 2577.965088,2685.125732 2573.603516,2682.711426
	C2570.164062,2679.825195 2568.712158,2678.183105 2568.670898,2676.240723
	C2574.697510,2675.079346 2575.900391,2671.614014 2577.458740,2667.650879
	C2579.184326,2667.622803 2579.873779,2667.572510 2581.368652,2668.245117
	C2584.660645,2670.273438 2587.146729,2671.579102 2590.620117,2673.950684
	C2628.076660,2697.960205 2668.313477,2710.921875 2710.142578,2719.575195
	C2714.583008,2720.493896 2719.458496,2721.290039 2723.869873,2715.140869
	C2722.698486,2708.649414 2721.672852,2700.829590 2719.845215,2693.201904
	C2711.313721,2657.589355 2700.063232,2623.013672 2679.846680,2590.755127
	C2678.013916,2586.162598 2676.355713,2582.727783 2675.383057,2577.759521
	C2678.965576,2574.733643 2681.862793,2573.241211 2684.759766,2571.748779
z"/>
<path fill="#1B4EAE" opacity="1.000000" stroke="none"
	d="
M2516.346191,2704.167480
	C2513.282227,2728.779541 2504.251221,2751.599365 2494.543701,2774.081299
	C2483.737549,2799.108398 2469.354004,2822.152344 2454.209717,2844.836182
	C2441.646973,2863.653809 2434.281006,2862.635498 2422.478027,2845.460205
	C2394.025391,2804.057373 2372.115723,2759.834473 2362.307373,2709.225098
	C2366.926270,2707.707764 2369.922607,2707.677979 2373.798340,2707.724121
	C2374.677979,2707.800293 2376.440918,2708.044434 2376.480957,2709.585938
	C2386.956299,2756.167236 2416.855469,2817.019043 2438.680664,2837.636719
	C2439.746094,2836.873291 2441.100830,2836.319824 2441.833008,2835.313477
	C2460.641846,2809.451172 2476.060303,2781.652588 2487.409180,2751.793213
	C2492.788818,2737.639404 2498.902344,2723.507568 2500.782959,2707.567139
	C2502.587158,2706.229736 2503.326904,2705.194824 2505.405518,2704.036133
	C2510.093506,2704.103760 2513.219971,2704.135498 2516.346191,2704.167480
z"/>
<path fill="#174BAC" opacity="1.000000" stroke="none"
	d="
M2576.010986,2187.947510
	C2586.139648,2181.734863 2595.870361,2174.721436 2606.469238,2169.454590
	C2643.626953,2150.989746 2683.036133,2139.421143 2723.969482,2132.958496
	C2726.554443,2132.550781 2729.305664,2132.534668 2731.889160,2132.929688
	C2736.209229,2133.591309 2739.417969,2136.197266 2739.710693,2140.663818
	C2740.056396,2145.935791 2740.271973,2151.397217 2739.309326,2156.545898
	C2730.076904,2205.914795 2714.866699,2253.083252 2685.386963,2295.197754
	C2681.101807,2292.563477 2678.552246,2290.251709 2676.433838,2286.902344
	C2677.886475,2283.864502 2678.907715,2281.864258 2680.520752,2278.600586
	C2700.570068,2242.442383 2713.836426,2205.234863 2722.590332,2166.339600
	C2723.898438,2160.528076 2725.501709,2154.707275 2720.295898,2148.905029
	C2690.420898,2152.847168 2661.312744,2160.950684 2633.595703,2173.422852
	C2619.232666,2179.885986 2605.790039,2188.394287 2590.888184,2196.415039
	C2587.829102,2197.870117 2585.813721,2198.889160 2583.682617,2198.663574
	C2581.048340,2194.261719 2578.529541,2191.104736 2576.010986,2187.947510
z"/>
<path fill="#0D3585" opacity="1.000000" stroke="none"
	d="
M2676.002441,2287.940186
	C2678.552246,2290.251709 2681.101807,2292.563477 2684.292236,2296.048340
	C2683.590820,2300.017822 2682.248535,2302.814453 2679.627930,2307.382812
	C2675.104980,2312.991211 2671.860107,2316.827637 2667.925781,2319.452393
	C2664.609863,2316.544922 2662.141357,2313.851562 2659.318115,2313.405762
	C2655.792480,2312.849365 2651.974854,2314.143311 2648.516602,2314.606934
	C2642.344482,2305.467773 2637.005859,2297.173828 2631.249512,2289.181152
	C2627.628418,2284.153320 2627.621338,2279.696533 2631.254639,2274.755859
	C2632.641113,2272.870361 2633.133789,2270.327393 2634.079102,2267.970947
	C2625.374268,2259.519043 2617.379150,2251.756592 2609.347900,2243.958984
	C2602.810791,2245.401855 2597.162354,2246.648926 2591.849365,2247.821777
	C2581.918701,2241.254150 2572.456055,2235.282959 2563.330078,2228.835938
	C2558.963135,2225.751221 2556.003174,2222.059326 2557.800781,2215.439941
	C2558.846436,2211.590332 2556.447754,2206.805420 2556.326172,2201.441895
	C2562.131836,2196.452637 2567.209961,2192.463135 2572.288086,2188.473389
	C2572.288086,2188.473389 2574.136475,2188.121094 2575.073730,2188.034180
	C2578.529541,2191.104736 2581.048340,2194.261719 2582.651367,2199.533691
	C2577.891113,2208.587158 2582.115967,2213.386230 2587.056152,2216.470703
	C2598.574219,2223.662109 2608.610596,2233.169678 2622.100830,2237.395508
	C2632.563232,2240.672607 2640.829102,2247.039062 2640.201172,2261.352539
	C2642.449463,2277.094238 2652.457275,2286.986328 2660.965820,2297.343506
	C2664.559326,2301.718018 2667.263428,2296.413086 2669.112305,2291.828613
	C2672.096680,2290.218262 2674.049561,2289.079346 2676.002441,2287.940186
z"/>
<path fill="#637EB2" opacity="1.000000" stroke="none"
	d="
M2570.847412,2188.153809
	C2567.209961,2192.463135 2562.131836,2196.452637 2555.065186,2201.972656
	C2545.670654,2208.147949 2537.082764,2211.115967 2530.922363,2218.754395
	C2530.174561,2218.919434 2528.745117,2219.464844 2528.177246,2218.045654
	C2524.718262,2203.087402 2518.445557,2190.175781 2520.035156,2175.805420
	C2519.798096,2171.906006 2521.252930,2168.747314 2525.504639,2169.791992
	C2541.008789,2173.601807 2555.731689,2179.487793 2570.847412,2188.153809
z"/>
<path fill="#5E77A9" opacity="1.000000" stroke="none"
	d="
M2668.615234,2320.664062
	C2671.860107,2316.827637 2675.104980,2312.991211 2679.470215,2308.561523
	C2683.091064,2309.726074 2686.641113,2310.932129 2687.907471,2313.339111
	C2692.963867,2322.951172 2699.301025,2332.074707 2700.329590,2343.464600
	C2700.605957,2346.525635 2702.608154,2349.430664 2704.364258,2353.782227
	C2702.917725,2355.346436 2700.925049,2355.535645 2695.999512,2355.284180
	C2681.353760,2350.310791 2667.736328,2351.462402 2656.029785,2343.297607
	C2660.537842,2335.190186 2664.576416,2327.927246 2668.615234,2320.664062
z"/>
<path fill="#5B73A4" opacity="1.000000" stroke="none"
	d="
M2195.207031,2312.113770
	C2196.641846,2311.854980 2198.469482,2311.815430 2199.877930,2313.082520
	C2207.292725,2321.964355 2213.298828,2329.578613 2219.698975,2338.084473
	C2221.170166,2340.608398 2222.247803,2342.241211 2223.197266,2344.575195
	C2223.069580,2345.276123 2223.333984,2346.676514 2221.941895,2346.820801
	C2216.143555,2348.216553 2211.737061,2349.468018 2205.808105,2350.861816
	C2200.226562,2351.552979 2196.167969,2352.101562 2190.679688,2352.615234
	C2184.631348,2353.279785 2180.012207,2353.979492 2175.393311,2354.679199
	C2176.605469,2341.953369 2180.795898,2330.153076 2187.039062,2319.122314
	C2188.548096,2316.456299 2191.489502,2314.600830 2195.207031,2312.113770
z"/>
<path fill="#637EB2" opacity="1.000000" stroke="none"
	d="
M2196.339600,2560.025635
	C2190.975586,2560.070068 2188.201416,2556.625000 2186.401611,2552.266113
	C2181.757812,2541.017578 2177.286377,2529.697754 2174.271729,2516.871338
	C2179.898193,2515.528076 2183.999023,2515.720215 2189.498779,2516.299561
	C2196.540039,2517.868408 2202.182617,2519.050049 2207.601562,2520.286377
	C2207.378174,2520.341064 2207.396484,2520.800781 2207.479248,2522.201660
	C2208.927246,2529.034180 2210.292725,2534.465576 2211.085449,2541.054443
	C2208.063721,2546.736572 2205.614258,2551.261475 2202.262939,2556.263184
	C2199.687012,2557.835449 2198.013428,2558.930420 2196.339600,2560.025635
z"/>
<path fill="#0E3580" opacity="1.000000" stroke="none"
	d="
M2188.099854,2515.912354
	C2183.999023,2515.720215 2179.898193,2515.528076 2174.270508,2515.380371
	C2171.502441,2515.019043 2170.356201,2514.428711 2168.626465,2512.966797
	C2168.340576,2509.118652 2168.733398,2505.957520 2169.162109,2502.505127
	C2173.644531,2500.864258 2177.782227,2499.349609 2181.477051,2497.997070
	C2182.322266,2496.273193 2183.351807,2495.138916 2183.354492,2494.002197
	C2183.366943,2488.865967 2183.361328,2483.701904 2182.851562,2478.598633
	C2182.086426,2470.942139 2180.895020,2463.327881 2179.918457,2453.869629
	C2179.952393,2452.043457 2180.107422,2451.845215 2181.683594,2451.926758
	C2189.927002,2452.310303 2194.564697,2455.016846 2195.702148,2462.171143
	C2197.751953,2475.063232 2199.896973,2487.939941 2202.141846,2501.677246
	C2196.272217,2504.716064 2185.635742,2504.219482 2188.099854,2515.912354
z"/>
<path fill="#0D327C" opacity="1.000000" stroke="none"
	d="
M2174.182617,2355.026855
	C2180.012207,2353.979492 2184.631348,2353.279785 2190.684082,2354.031250
	C2190.937500,2363.809326 2201.066406,2364.471680 2202.856689,2372.000732
	C2200.942139,2380.515381 2198.513184,2389.934814 2196.765869,2399.479004
	C2195.012451,2409.057861 2189.294678,2412.682373 2180.024414,2412.023438
	C2179.928955,2411.929932 2179.739258,2411.741699 2179.739258,2411.741699
	C2182.291748,2398.267334 2184.843750,2384.793213 2187.588379,2370.302979
	C2182.162109,2369.220947 2177.745850,2368.420410 2173.368652,2367.443848
	C2169.398193,2366.558350 2168.541992,2363.414795 2168.247070,2358.445557
	C2169.789551,2356.430420 2171.380859,2355.902344 2174.182617,2355.026855
z"/>
<path fill="#6580B4" opacity="1.000000" stroke="none"
	d="
M2305.234375,2683.219727
	C2304.951660,2681.341309 2306.255859,2679.744629 2309.159668,2676.511719
	C2317.823242,2671.252686 2324.887207,2667.629395 2332.175293,2665.428223
	C2337.226807,2674.685059 2344.324463,2676.846436 2353.692383,2675.471191
	C2354.394531,2675.853027 2355.715820,2676.753174 2355.601562,2678.350586
	C2356.020020,2686.249756 2356.552734,2692.551758 2357.085449,2698.853516
	C2343.488037,2700.980713 2333.550537,2691.532715 2321.823486,2687.741455
	C2316.882324,2686.144287 2311.825439,2684.904053 2305.234375,2683.219727
z"/>
<path fill="#6C88BF" opacity="1.000000" stroke="none"
	d="
M2355.453125,2168.695801
	C2356.804688,2171.752197 2356.607666,2174.703613 2356.312500,2180.464844
	C2355.780273,2185.960449 2355.346680,2188.646484 2353.444580,2191.520508
	C2347.716553,2193.270264 2343.247559,2194.424805 2339.246338,2196.487305
	C2333.157471,2199.625732 2327.008545,2200.737549 2320.365234,2199.115967
	C2317.873779,2197.283203 2315.382568,2195.450439 2312.337402,2192.582520
	C2312.300049,2187.116943 2314.899658,2184.358154 2318.891357,2182.742432
	C2330.559814,2178.019043 2342.233154,2173.307373 2355.453125,2168.695801
z"/>
<path fill="#0F2D6A" opacity="1.000000" stroke="none"
	d="
M2684.442383,2570.522461
	C2681.862793,2573.241211 2678.965576,2574.733643 2674.532715,2576.966309
	C2671.293945,2576.212158 2669.590820,2574.717773 2667.695801,2572.074951
	C2666.396484,2569.876465 2665.289062,2568.826416 2663.763916,2566.625488
	C2660.903809,2562.298340 2658.461426,2559.122559 2655.581055,2554.833008
	C2652.554199,2550.716064 2649.965332,2547.712891 2647.481689,2543.605713
	C2647.591797,2541.761963 2647.596191,2541.022461 2648.755859,2539.354980
	C2650.631836,2534.638672 2651.600830,2530.877197 2652.010010,2527.056152
	C2652.530273,2522.198730 2655.487061,2520.374512 2660.108398,2520.125000
	C2660.413574,2520.437012 2661.019531,2521.065186 2660.710449,2522.484375
	C2659.099365,2537.687744 2668.533203,2546.312256 2676.180176,2557.136230
	C2677.174072,2561.881592 2679.183105,2564.020996 2682.894531,2564.384277
	C2683.304688,2566.021729 2683.715088,2567.658936 2684.442383,2570.522461
z"/>
<path fill="#7897D1" opacity="1.000000" stroke="none"
	d="
M2567.260254,2676.541016
	C2568.712158,2678.183105 2570.164062,2679.825195 2572.251465,2682.366699
	C2565.640137,2686.316650 2558.453369,2689.520264 2551.132324,2692.379883
	C2541.393311,2696.184326 2531.549805,2699.720459 2520.347656,2701.767822
	C2519.637451,2696.297119 2520.331299,2692.430664 2522.479492,2688.407227
	C2536.768311,2687.055176 2547.980469,2682.657959 2557.217041,2672.236328
	C2561.363037,2673.830811 2564.311768,2675.185791 2567.260254,2676.541016
z"/>
<path fill="#7897D1" opacity="1.000000" stroke="none"
	d="
M2684.258789,2563.826172
	C2679.183105,2564.020996 2677.174072,2561.881592 2677.331543,2556.353027
	C2685.268311,2542.843994 2690.226074,2530.440918 2693.810303,2516.683594
	C2697.819580,2515.659180 2700.478760,2514.944580 2703.138184,2514.229980
	C2703.916016,2514.496338 2704.693604,2514.762451 2706.665039,2515.329590
	C2703.891357,2533.117676 2697.884277,2549.652588 2684.258789,2563.826172
z"/>
<path fill="#081F52" opacity="1.000000" stroke="none"
	d="
M2519.388184,2175.334473
	C2518.445557,2190.175781 2524.718262,2203.087402 2526.491699,2218.275391
	C2520.881592,2219.934082 2516.389404,2219.944336 2511.808105,2218.683594
	C2510.476074,2214.271729 2509.233154,2211.131104 2507.984131,2206.383301
	C2507.240479,2197.719971 2510.330322,2190.127686 2505.034180,2182.892090
	C2505.041016,2182.073242 2504.925781,2180.439697 2505.603271,2179.920898
	C2507.105225,2178.532227 2507.517090,2177.498047 2507.516602,2176.299805
	C2509.742188,2175.985840 2511.968018,2175.672119 2515.768066,2174.721680
	C2517.342773,2174.085205 2518.740967,2174.863770 2519.388184,2175.334473
z"/>
<path fill="#0D327C" opacity="1.000000" stroke="none"
	d="
M2357.727051,2699.875488
	C2356.552734,2692.551758 2356.020020,2686.249756 2356.332031,2677.153320
	C2360.714355,2673.518799 2364.251953,2672.678955 2367.892334,2673.181641
	C2369.229980,2677.650391 2370.464600,2680.776611 2371.785889,2685.606934
	C2372.221436,2694.089844 2372.570068,2700.869141 2372.918701,2707.648193
	C2369.922607,2707.677979 2366.926270,2707.707764 2362.435547,2707.680908
	C2360.083496,2705.381836 2359.225830,2703.139404 2357.727051,2699.875488
z"/>
<path fill="#133B86" opacity="1.000000" stroke="none"
	d="
M2521.024902,2688.563965
	C2520.331299,2692.430664 2519.637451,2696.297119 2518.797363,2701.617676
	C2518.650635,2703.071533 2517.489746,2703.603027 2516.917969,2703.885254
	C2513.219971,2704.135498 2510.093506,2704.103760 2505.424316,2702.544678
	C2503.818848,2698.035645 2503.756348,2695.053711 2503.885986,2690.580322
	C2504.177002,2686.089355 2504.275879,2683.089600 2505.217529,2679.616455
	C2507.009033,2678.227051 2507.687988,2677.142578 2509.652344,2675.957764
	C2514.330811,2676.164062 2517.454102,2676.302002 2520.589355,2677.958496
	C2520.742676,2682.506104 2520.883789,2685.534912 2521.024902,2688.563965
z"/>
<path fill="#133B86" opacity="1.000000" stroke="none"
	d="
M2196.072754,2561.125488
	C2198.013428,2558.930420 2199.687012,2557.835449 2203.575439,2556.395996
	C2209.004150,2557.308594 2212.218018,2558.565186 2215.132812,2560.875488
	C2213.832764,2563.867188 2212.832275,2565.804932 2210.993652,2568.437500
	C2209.312012,2571.073486 2208.468018,2573.014648 2206.794678,2575.259766
	C2205.965576,2575.563477 2204.333984,2576.239990 2204.333984,2576.239990
	C2200.054688,2575.788574 2196.705078,2574.147461 2195.232666,2568.058594
	C2195.108398,2565.154297 2195.457275,2563.689697 2196.072754,2561.125488
z"/>
<path fill="#175CDC" opacity="1.000000" stroke="none"
	d="
M2151.348145,2375.700928
	C2155.873291,2374.844238 2158.890137,2374.348633 2162.414307,2373.769775
	C2164.817871,2382.092285 2164.445312,2389.362305 2163.117920,2396.497314
	C2158.220215,2422.817627 2158.266846,2449.071289 2163.086670,2475.398193
	C2164.253174,2481.768066 2165.801758,2488.480713 2161.158203,2494.298584
	C2132.664062,2492.292236 2072.843262,2464.642334 2037.799316,2437.351807
	C2036.668823,2430.759521 2041.774780,2428.031982 2046.019043,2425.220947
	C2071.516113,2408.333008 2097.919678,2393.168457 2127.209229,2383.657715
	C2134.777100,2381.200195 2142.297852,2378.597900 2151.348145,2375.700928
z"/>
<path fill="#0D327C" opacity="1.000000" stroke="none"
	d="
M2179.872559,2452.140625
	C2174.528320,2449.299316 2169.313721,2445.549561 2168.645996,2439.466309
	C2167.882812,2432.510254 2168.506836,2425.234131 2169.753906,2418.318115
	C2170.177979,2415.966309 2174.324219,2414.285645 2178.254395,2412.020020
	C2179.739258,2411.741699 2179.928955,2411.929932 2179.981934,2413.824463
	C2180.059082,2427.760986 2180.083252,2439.803223 2180.107422,2451.845215
	C2180.107422,2451.845215 2179.952393,2452.043457 2179.872559,2452.140625
z"/>
<path fill="#D8E4FB" opacity="1.000000" stroke="none"
	d="
M2202.859131,2287.339355
	C2198.805176,2281.302246 2194.225830,2275.549072 2190.784668,2269.180908
	C2172.326172,2235.021240 2160.352051,2198.552246 2153.083008,2160.495117
	C2152.505859,2157.472656 2153.006836,2154.243896 2153.006836,2149.689453
	C2157.500488,2149.689453 2160.681152,2149.252686 2163.706055,2149.754883
	C2206.111328,2156.799072 2245.569580,2171.922363 2282.964844,2195.737793
	C2277.319824,2203.203125 2271.311035,2208.315674 2265.444092,2213.586182
	C2259.642822,2218.798096 2252.039551,2222.781006 2251.894775,2233.101074
	C2251.678467,2233.984619 2251.719727,2235.804443 2250.781738,2236.294434
	C2248.118652,2237.979492 2246.393799,2239.174316 2243.241455,2240.290527
	C2238.998047,2241.726074 2235.736328,2242.749512 2233.438721,2244.834961
	C2220.249023,2256.807861 2209.309570,2270.480469 2202.859131,2287.339355
z"/>
<path fill="#8D98AB" opacity="1.000000" stroke="none"
	d="
M2301.623291,2207.588867
	C2302.861084,2207.518311 2304.065674,2207.685303 2306.825439,2209.275391
	C2311.952148,2213.433594 2315.490723,2216.406494 2318.036865,2220.243652
	C2305.841553,2229.316162 2294.638916,2237.524902 2282.640625,2244.835693
	C2278.496582,2240.688232 2275.147705,2237.438721 2271.843750,2232.653809
	C2273.357910,2228.270996 2274.099365,2224.350830 2276.428467,2222.770020
	C2284.529541,2217.271729 2293.181152,2212.584717 2301.623291,2207.588867
z"/>
<path fill="#B3BED3" opacity="1.000000" stroke="none"
	d="
M2202.975586,2288.343750
	C2209.309570,2270.480469 2220.249023,2256.807861 2233.438721,2244.834961
	C2235.736328,2242.749512 2238.998047,2241.726074 2243.010986,2241.783203
	C2240.677734,2249.854492 2239.886719,2256.778320 2239.682129,2264.411133
	C2233.557617,2269.885742 2228.281250,2274.580078 2224.111328,2280.108643
	C2219.453857,2286.283936 2215.071533,2292.475342 2207.842529,2295.887939
	C2206.259033,2293.708008 2204.675781,2291.528076 2202.975586,2288.343750
z"/>
<path fill="#8590A2" opacity="1.000000" stroke="none"
	d="
M2207.731445,2297.065918
	C2215.071533,2292.475342 2219.453857,2286.283936 2224.111328,2280.108643
	C2228.281250,2274.580078 2233.557617,2269.885742 2240.594482,2265.058105
	C2244.381836,2267.784668 2245.920410,2270.276611 2247.434082,2274.093750
	C2239.711670,2286.696777 2232.077881,2298.020020 2224.239746,2309.199463
	C2223.182861,2310.707031 2221.096680,2311.492920 2218.485840,2311.885254
	C2214.058105,2307.629639 2210.631592,2304.101807 2207.204834,2300.573730
	C2207.343262,2299.797119 2207.481934,2299.020752 2207.731445,2297.065918
z"/>
<path fill="#445881" opacity="1.000000" stroke="none"
	d="
M2319.029297,2219.379395
	C2315.490723,2216.406494 2311.952148,2213.433594 2307.713867,2209.498535
	C2310.998291,2206.198242 2314.982178,2203.860596 2319.665527,2200.319336
	C2327.008545,2200.737549 2333.157471,2199.625732 2339.246338,2196.487305
	C2343.247559,2194.424805 2347.716553,2193.270264 2353.689453,2193.036133
	C2354.386963,2200.305176 2353.371338,2206.247559 2352.025879,2213.488770
	C2349.829590,2216.085938 2347.555176,2218.817139 2346.169922,2218.423096
	C2341.314209,2217.041260 2336.826416,2214.422852 2332.079346,2212.583252
	C2328.159180,2211.064453 2326.414551,2212.851074 2322.886719,2219.957031
	C2320.737305,2219.677979 2319.883301,2219.528809 2319.029297,2219.379395
z"/>
<path fill="#B3BED3" opacity="1.000000" stroke="none"
	d="
M2300.686035,2206.600098
	C2293.181152,2212.584717 2284.529541,2217.271729 2276.428467,2222.770020
	C2274.099365,2224.350830 2273.357910,2228.270996 2270.322754,2232.322998
	C2264.656738,2233.722412 2260.556641,2233.917480 2255.446289,2233.463867
	C2253.661133,2232.615967 2252.886230,2232.416748 2252.111084,2232.217773
	C2252.039551,2222.781006 2259.642822,2218.798096 2265.444092,2213.586182
	C2271.311035,2208.315674 2277.319824,2203.203125 2283.891846,2196.769043
	C2289.594482,2198.881348 2294.671387,2202.246338 2300.686035,2206.600098
z"/>
<path fill="#0C2964" opacity="1.000000" stroke="none"
	d="
M2206.105957,2301.040527
	C2210.631592,2304.101807 2214.058105,2307.629639 2218.709961,2313.087891
	C2221.378174,2317.962891 2222.820801,2320.907715 2223.112305,2324.766113
	C2221.075684,2329.517822 2220.190430,2333.355469 2219.305176,2337.193115
	C2213.298828,2329.578613 2207.292725,2321.964355 2200.790039,2313.143066
	C2200.229248,2307.720459 2201.190674,2303.968506 2206.105957,2301.040527
z"/>
<path fill="#89ACF1" opacity="1.000000" stroke="none"
	d="
M2376.169678,2163.811035
	C2376.740234,2159.889404 2376.896484,2155.852783 2377.945068,2152.063477
	C2388.839844,2112.708008 2405.693848,2076.098877 2428.956787,2042.494873
	C2430.836182,2039.780029 2432.948486,2037.199829 2435.190186,2034.777100
	C2435.957764,2033.947266 2437.453369,2033.791138 2438.617188,2033.328979
	C2462.868652,2057.938477 2490.765625,2115.916992 2498.422363,2162.232178
	C2482.776123,2161.274902 2468.686279,2158.720215 2454.528564,2156.621338
	C2450.857910,2156.076904 2448.674805,2158.932129 2446.145996,2162.449707
	C2440.494629,2162.652588 2436.387939,2162.816162 2431.865723,2161.579590
	C2428.937012,2156.034912 2424.911133,2156.044434 2420.925293,2156.683350
	C2415.088379,2157.619385 2409.339355,2159.110107 2403.499268,2160.019775
	C2394.413086,2161.435303 2385.281738,2162.562012 2376.169678,2163.811035
z"/>
<path fill="#22304E" opacity="1.000000" stroke="none"
	d="
M2352.355713,2212.189697
	C2353.371338,2206.247559 2354.386963,2200.305176 2355.157715,2192.847656
	C2355.346680,2188.646484 2355.780273,2185.960449 2356.454102,2181.942871
	C2359.601807,2180.450684 2362.508789,2180.290283 2366.727051,2181.974609
	C2368.932373,2192.562012 2365.708252,2201.843750 2370.510986,2209.948975
	C2387.462158,2207.671387 2403.493652,2205.601074 2419.482910,2203.243408
	C2421.152100,2202.997559 2422.570312,2201.050781 2425.673340,2200.121094
	C2436.362549,2204.959961 2446.183594,2203.909668 2457.667969,2203.886719
	C2468.553955,2204.439941 2477.661133,2204.856689 2486.740967,2205.603271
	C2493.841309,2206.187256 2500.908447,2207.179443 2507.990234,2207.990234
	C2509.233154,2211.131104 2510.476074,2214.271729 2510.702637,2219.565430
	C2506.897949,2225.817627 2503.496826,2229.237061 2498.158203,2226.840576
	C2479.461426,2218.448486 2458.771973,2222.196533 2439.543213,2217.035400
	C2437.229004,2216.414307 2434.397949,2217.731934 2431.804199,2218.137695
	C2427.883301,2218.751465 2423.904053,2220.110840 2420.049072,2219.822266
	C2407.164795,2218.857178 2395.025146,2222.406494 2382.720215,2225.089844
	C2378.959961,2225.909424 2375.211182,2226.779297 2370.892334,2227.753662
	C2368.460693,2223.822021 2366.172607,2220.595947 2364.380859,2217.114258
	C2361.701904,2211.908936 2357.078369,2212.070557 2352.355713,2212.189697
z"/>
<path fill="#6580B4" opacity="1.000000" stroke="none"
	d="
M2447.690430,2162.410645
	C2448.674805,2158.932129 2450.857910,2156.076904 2454.528564,2156.621338
	C2468.686279,2158.720215 2482.776123,2161.274902 2498.512207,2163.812500
	C2501.354004,2167.094482 2502.575439,2170.223633 2503.973389,2175.822266
	C2504.408447,2179.007812 2504.667236,2179.723633 2504.925781,2180.439697
	C2504.925781,2180.439697 2505.041016,2182.073242 2503.867676,2183.924316
	C2500.832275,2186.313721 2498.599609,2187.800537 2497.167725,2187.240234
	C2485.734619,2182.766846 2473.780273,2184.220947 2461.705566,2182.187012
	C2461.042480,2171.466064 2452.638428,2168.232422 2447.690430,2162.410645
z"/>
<path fill="#3D4F76" opacity="1.000000" stroke="none"
	d="
M2424.104736,2199.892822
	C2422.570312,2201.050781 2421.152100,2202.997559 2419.482910,2203.243408
	C2403.493652,2205.601074 2387.462158,2207.671387 2370.510986,2209.948975
	C2365.708252,2201.843750 2368.932373,2192.562012 2368.181641,2182.125000
	C2368.324951,2180.430908 2370.205322,2180.062744 2371.219238,2181.460938
	C2372.817139,2185.257324 2373.400879,2187.655273 2374.049561,2190.318848
	C2389.665283,2187.872559 2404.327881,2185.575684 2419.356201,2184.717529
	C2421.183105,2190.735107 2422.643799,2195.313965 2424.104736,2199.892822
z"/>
<path fill="#6580B4" opacity="1.000000" stroke="none"
	d="
M2375.563965,2164.954590
	C2385.281738,2162.562012 2394.413086,2161.435303 2403.499268,2160.019775
	C2409.339355,2159.110107 2415.088379,2157.619385 2420.925293,2156.683350
	C2424.911133,2156.044434 2428.937012,2156.034912 2430.982910,2162.466797
	C2427.275879,2167.257324 2424.036377,2169.760986 2418.993164,2172.186279
	C2407.490723,2172.114746 2397.873779,2171.454590 2388.336670,2174.973633
	C2383.698486,2176.684814 2378.071045,2175.713867 2372.891357,2175.957031
	C2373.580078,2172.670898 2374.269043,2169.384521 2375.563965,2164.954590
z"/>
<path fill="#637EB2" opacity="1.000000" stroke="none"
	d="
M2372.630371,2176.935059
	C2378.071045,2175.713867 2383.698486,2176.684814 2388.336670,2174.973633
	C2397.873779,2171.454590 2407.490723,2172.114746 2418.746338,2173.561523
	C2419.865723,2177.769531 2419.427979,2180.524414 2418.990234,2183.278809
	C2404.327881,2185.575684 2389.665283,2187.872559 2374.049561,2190.318848
	C2373.400879,2187.655273 2372.817139,2185.257324 2372.174805,2181.390625
	C2372.200439,2179.252197 2372.284912,2178.582520 2372.630371,2176.935059
z"/>
<path fill="#445881" opacity="1.000000" stroke="none"
	d="
M2505.603271,2179.920898
	C2504.667236,2179.723633 2504.408447,2179.007812 2504.013672,2177.158203
	C2503.877686,2176.024414 2505.705566,2176.114502 2506.611084,2176.207031
	C2507.517090,2177.498047 2507.105225,2178.532227 2505.603271,2179.920898
z"/>
<path fill="#D3DFF6" opacity="1.000000" stroke="none"
	d="
M2720.405029,2374.974121
	C2764.856445,2385.772949 2817.738770,2412.303955 2839.798096,2434.874023
	C2822.839111,2455.655518 2757.824219,2487.800293 2713.615234,2494.765137
	C2712.553955,2487.413574 2713.271240,2481.722412 2713.820068,2476.015381
	C2714.490479,2469.045166 2715.532715,2462.046631 2715.331299,2455.091553
	C2715.260498,2452.645508 2711.991699,2450.291992 2710.555176,2446.270020
	C2710.839844,2439.126953 2710.752441,2433.610352 2712.078125,2427.228516
	C2717.583496,2416.910156 2716.053711,2407.264648 2714.399414,2397.639648
	C2713.740723,2393.806885 2712.604004,2390.049316 2712.066406,2386.204102
	C2711.181396,2379.870361 2714.599365,2376.473145 2720.405029,2374.974121
z"/>
<path fill="#081F52" opacity="1.000000" stroke="none"
	d="
M2667.925537,2319.452393
	C2664.576416,2327.927246 2660.537842,2335.190186 2656.029785,2343.297607
	C2667.736328,2351.462402 2681.353760,2350.310791 2694.501221,2355.359375
	C2695.888672,2358.782471 2695.841064,2361.689941 2694.810059,2366.197510
	C2693.826660,2367.797363 2691.991943,2368.230225 2690.560791,2367.751953
	C2686.130615,2366.899170 2683.131592,2366.524658 2678.886230,2365.427002
	C2671.869141,2364.562012 2666.098145,2364.420166 2658.927246,2364.144775
	C2655.652832,2363.908936 2653.779053,2363.806885 2651.913086,2362.176758
	C2650.028076,2353.667725 2648.134766,2346.686523 2646.047607,2338.990479
	C2632.549805,2336.899902 2625.241943,2327.729492 2619.262695,2317.033447
	C2618.291992,2315.297119 2617.131104,2313.666992 2616.047119,2311.994629
	C2601.393555,2289.391357 2583.502197,2269.485596 2559.945312,2256.503906
	C2543.939941,2247.683838 2533.772217,2236.713623 2531.670166,2218.589355
	C2537.082764,2211.115967 2545.670654,2208.147949 2554.337891,2202.972168
	C2556.447754,2206.805420 2558.846436,2211.590332 2557.800781,2215.439941
	C2556.003174,2222.059326 2558.963135,2225.751221 2563.330078,2228.835938
	C2572.456055,2235.282959 2581.918701,2241.254150 2591.849365,2247.821777
	C2597.162354,2246.648926 2602.810791,2245.401855 2609.347900,2243.958984
	C2617.379150,2251.756592 2625.374268,2259.519043 2634.079102,2267.970947
	C2633.133789,2270.327393 2632.641113,2272.870361 2631.254639,2274.755859
	C2627.621338,2279.696533 2627.628418,2284.153320 2631.249512,2289.181152
	C2637.005859,2297.173828 2642.344482,2305.467773 2648.516602,2314.606934
	C2651.974854,2314.143311 2655.792480,2312.849365 2659.318115,2313.405762
	C2662.141357,2313.851562 2664.609863,2316.544922 2667.925537,2319.452393
z"/>
<path fill="#A2ADC1" opacity="1.000000" stroke="none"
	d="
M2710.182861,2447.895996
	C2711.991699,2450.291992 2715.260498,2452.645508 2715.331299,2455.091553
	C2715.532715,2462.046631 2714.490479,2469.045166 2713.820068,2476.015381
	C2713.271240,2481.722412 2712.553955,2487.413574 2712.021484,2494.875977
	C2707.849365,2497.806152 2703.566895,2498.971924 2696.433838,2499.791016
	C2689.931641,2498.229492 2687.627197,2495.543945 2689.002197,2491.947754
	C2692.940186,2481.646973 2691.993896,2470.983887 2693.417969,2460.000977
	C2699.807373,2455.710938 2704.995117,2451.803467 2710.182861,2447.895996
z"/>
<path fill="#A2ADC1" opacity="1.000000" stroke="none"
	d="
M2691.991943,2368.230225
	C2691.991943,2368.230225 2693.826660,2367.797363 2694.756104,2367.649414
	C2696.350586,2367.870850 2697.015625,2368.239990 2699.420166,2369.583496
	C2701.159424,2370.557861 2702.836426,2371.208252 2702.836426,2371.208252
	C2702.836426,2371.208252 2704.629395,2371.059326 2704.629395,2371.059326
	C2709.198730,2371.768066 2713.768066,2372.476807 2719.371094,2374.079834
	C2714.599365,2376.473145 2711.181396,2379.870361 2712.066406,2386.204102
	C2712.604004,2390.049316 2713.740723,2393.806885 2714.399414,2397.639648
	C2716.053711,2407.264648 2717.583496,2416.910156 2711.020508,2426.686768
	C2704.433105,2423.190186 2700.315918,2419.370117 2696.196777,2413.811523
	C2695.936035,2400.556641 2696.875000,2388.965088 2692.510986,2377.808350
	C2691.404785,2374.980713 2692.115723,2371.442139 2691.991943,2368.230225
z"/>
<path fill="#6D778A" opacity="1.000000" stroke="none"
	d="
M2692.216309,2460.383789
	C2691.993896,2470.983887 2692.940186,2481.646973 2689.002197,2491.947754
	C2687.627197,2495.543945 2689.931641,2498.229492 2695.044434,2499.855225
	C2696.505859,2500.266113 2696.059326,2501.926758 2694.195068,2502.852051
	C2685.603271,2503.827637 2678.875977,2503.877930 2672.067383,2502.218262
	C2671.758301,2486.037109 2673.691406,2472.005615 2681.908691,2459.137939
	C2686.326416,2459.677002 2689.271484,2460.030518 2692.216309,2460.383789
z"/>
<path fill="#0F2D6A" opacity="1.000000" stroke="none"
	d="
M2672.148438,2503.928223
	C2678.875977,2503.877930 2685.603271,2503.827637 2694.000977,2503.689697
	C2700.320801,2504.329346 2704.121582,2505.874512 2703.306152,2512.966797
	C2700.478760,2514.944580 2697.819580,2515.659180 2692.216309,2516.486816
	C2679.854980,2518.088379 2670.437256,2519.576904 2661.019531,2521.065430
	C2661.019531,2521.065186 2660.413574,2520.437012 2660.199707,2518.652832
	C2659.984131,2513.909668 2659.982178,2510.951172 2660.073730,2507.085938
	C2660.167236,2506.179443 2660.275879,2504.359863 2661.756836,2504.315918
	C2666.207764,2504.157471 2669.178223,2504.042725 2672.148438,2503.928223
z"/>
<path fill="#808B9E" opacity="1.000000" stroke="none"
	d="
M2703.979004,2370.424316
	C2704.629395,2371.059326 2702.836426,2371.208252 2702.836426,2371.208252
	C2702.836426,2371.208252 2701.159424,2370.557861 2700.498779,2369.956543
	C2701.076172,2368.901123 2702.239746,2369.046143 2703.979004,2370.424316
z"/>
<path fill="#D6E2F8" opacity="1.000000" stroke="none"
	d="
M2283.769043,2675.441895
	C2246.380615,2699.083984 2184.731689,2720.112305 2153.869141,2719.229004
	C2153.737305,2715.645264 2152.929199,2711.842773 2153.569580,2708.302734
	C2161.211670,2666.060547 2176.052246,2626.403320 2199.340820,2588.834717
	C2215.486084,2607.234863 2229.443848,2625.630859 2246.992676,2640.853516
	C2257.443848,2649.919434 2268.341064,2658.471436 2278.773438,2667.558350
	C2281.021484,2669.516602 2282.133545,2672.779785 2283.769043,2675.441895
z"/>
<path fill="#B3BED3" opacity="1.000000" stroke="none"
	d="
M2284.872070,2675.305908
	C2282.133545,2672.779785 2281.021484,2669.516602 2278.773438,2667.558350
	C2268.341064,2658.471436 2257.443848,2649.919434 2246.992676,2640.853516
	C2229.443848,2625.630859 2215.486084,2607.234863 2200.470703,2588.013184
	C2200.709717,2584.423096 2202.195801,2581.519775 2204.007812,2577.428223
	C2204.333984,2576.239990 2205.965576,2575.563477 2207.471680,2576.500488
	C2214.246582,2584.121338 2219.707031,2590.666016 2224.711670,2597.542236
	C2227.671631,2601.609131 2231.110352,2604.078369 2236.343262,2605.484131
	C2239.793457,2627.483887 2244.357910,2631.632568 2264.121582,2632.078125
	C2265.423828,2632.107422 2266.732178,2631.879639 2268.544434,2633.025635
	C2275.916260,2640.453857 2282.881592,2646.521484 2289.607422,2652.843506
	C2293.422607,2656.429443 2296.844971,2660.432861 2299.757812,2665.265625
	C2297.376221,2668.072510 2295.681152,2669.862061 2293.986084,2671.651367
	C2291.315674,2672.824219 2288.645508,2673.997070 2284.872070,2675.305908
z"/>
<path fill="#0D3075" opacity="1.000000" stroke="none"
	d="
M2295.474365,2672.061279
	C2295.681152,2669.862061 2297.376221,2668.072510 2301.042969,2665.147705
	C2308.433105,2659.805664 2313.851562,2655.599121 2320.349609,2651.484863
	C2322.149902,2651.546387 2322.871338,2651.516113 2324.099609,2652.589844
	C2327.020020,2655.756836 2329.433838,2657.819580 2331.860352,2660.913574
	C2331.899170,2662.632080 2331.925049,2663.319092 2331.951172,2664.006348
	C2324.887207,2667.629395 2317.823242,2671.252686 2309.650391,2675.592773
	C2304.681885,2675.030273 2300.822266,2673.750732 2295.474365,2672.061279
z"/>
<path fill="#DDE6FA" opacity="1.000000" stroke="none"
	d="
M2680.020996,2591.912842
	C2700.063232,2623.013672 2711.313721,2657.589355 2719.845215,2693.201904
	C2721.672852,2700.829590 2722.698486,2708.649414 2723.869873,2715.140869
	C2719.458496,2721.290039 2714.583008,2720.493896 2710.142578,2719.575195
	C2668.313477,2710.921875 2628.076660,2697.960205 2592.067139,2673.417725
	C2606.533447,2660.960449 2620.615234,2650.197021 2634.494873,2639.179199
	C2638.085693,2636.329102 2641.376221,2632.944092 2644.222168,2629.344238
	C2651.543945,2620.083740 2658.553467,2610.575928 2665.660156,2601.146484
	C2669.319092,2596.291748 2673.288086,2591.965332 2680.020996,2591.912842
z"/>
<path fill="#BCC8DC" opacity="1.000000" stroke="none"
	d="
M2679.846680,2590.755127
	C2673.288086,2591.965332 2669.319092,2596.291748 2665.660156,2601.146484
	C2658.553467,2610.575928 2651.543945,2620.083740 2644.222168,2629.344238
	C2641.376221,2632.944092 2638.085693,2636.329102 2634.494873,2639.179199
	C2620.615234,2650.197021 2606.533447,2660.960449 2591.080078,2672.351562
	C2587.146729,2671.579102 2584.660645,2670.273438 2581.871582,2667.057129
	C2585.428955,2661.904297 2589.456543,2658.839355 2593.111572,2655.380615
	C2599.444824,2649.387695 2608.258545,2646.042236 2613.711426,2637.228027
	C2629.425537,2634.832275 2635.722900,2625.689697 2638.467773,2612.031738
	C2652.808105,2605.049072 2659.647461,2592.711914 2667.041504,2580.981689
	C2668.288086,2579.003662 2667.653320,2575.839600 2667.887695,2573.223389
	C2669.590820,2574.717773 2671.293945,2576.212158 2673.847168,2578.499756
	C2676.355713,2582.727783 2678.013916,2586.162598 2679.846680,2590.755127
z"/>
<path fill="#939EB2" opacity="1.000000" stroke="none"
	d="
M2612.226807,2637.529053
	C2608.258545,2646.042236 2599.444824,2649.387695 2593.111572,2655.380615
	C2589.456543,2658.839355 2585.428955,2661.904297 2581.066162,2666.334473
	C2579.873779,2667.572510 2579.184326,2667.622803 2576.815430,2666.708984
	C2572.841309,2663.769531 2570.547119,2661.793457 2568.324463,2658.439697
	C2569.179443,2651.871338 2573.614014,2650.163574 2577.064697,2647.192627
	C2583.385010,2641.751221 2592.918701,2640.060547 2597.534424,2631.613770
	C2603.323486,2633.945312 2607.775146,2635.737061 2612.226807,2637.529053
z"/>
<path fill="#133B86" opacity="1.000000" stroke="none"
	d="
M2568.252930,2659.817627
	C2570.547119,2661.793457 2572.841309,2663.769531 2575.778809,2666.687256
	C2575.900391,2671.614014 2574.697510,2675.079346 2568.670898,2676.240723
	C2564.311768,2675.185791 2561.363037,2673.830811 2556.768066,2671.152344
	C2552.427734,2666.986816 2549.733887,2664.144287 2548.377930,2660.816162
	C2553.986572,2659.392334 2555.675293,2656.376953 2557.232910,2652.818604
	C2561.644531,2655.454346 2564.948730,2657.635986 2568.252930,2659.817627
z"/>
<path fill="#89ACF1" opacity="1.000000" stroke="none"
	d="
M2499.941406,2708.029053
	C2498.902344,2723.507568 2492.788818,2737.639404 2487.409180,2751.793213
	C2476.060303,2781.652588 2460.641846,2809.451172 2441.833008,2835.313477
	C2441.100830,2836.319824 2439.746094,2836.873291 2438.680664,2837.636719
	C2416.855469,2817.019043 2386.956299,2756.167236 2378.161621,2709.533936
	C2385.683350,2708.744141 2391.555420,2709.622559 2397.447266,2710.335205
	C2407.764404,2711.583496 2418.291016,2715.224121 2429.557617,2708.000000
	C2435.461914,2707.903564 2439.753662,2707.746094 2445.082031,2708.845215
	C2456.991699,2713.274170 2467.852539,2712.172363 2478.802734,2710.356934
	C2485.785645,2709.199219 2492.890869,2708.779541 2499.941406,2708.029053
z"/>
<path fill="#6580B4" opacity="1.000000" stroke="none"
	d="
M2427.945068,2707.939453
	C2418.291016,2715.224121 2407.764404,2711.583496 2397.447266,2710.335205
	C2391.555420,2709.622559 2385.683350,2708.744141 2378.121582,2707.992676
	C2376.440918,2708.044434 2374.677979,2707.800293 2373.798340,2707.724121
	C2372.570068,2700.869141 2372.221436,2694.089844 2373.520508,2685.581055
	C2388.291260,2685.517822 2401.414551,2687.184082 2414.833008,2690.193604
	C2415.340576,2700.176758 2423.666504,2702.476807 2427.945068,2707.939453
z"/>
<path fill="#6580B4" opacity="1.000000" stroke="none"
	d="
M2500.782959,2707.567139
	C2492.890869,2708.779541 2485.785645,2709.199219 2478.802734,2710.356934
	C2467.852539,2712.172363 2456.991699,2713.274170 2445.562744,2707.755371
	C2448.458740,2702.167969 2451.909912,2698.926758 2457.113281,2695.786133
	C2462.801514,2695.776123 2467.101318,2696.656982 2470.605713,2695.370361
	C2481.447510,2691.389404 2492.554199,2691.971924 2503.693848,2692.071777
	C2503.756348,2695.053711 2503.818848,2698.035645 2503.862549,2702.508789
	C2503.326904,2705.194824 2502.587158,2706.229736 2500.782959,2707.567139
z"/>
<path fill="#175CDC" opacity="1.000000" stroke="none"
	d="
M2591.931641,2195.978760
	C2605.790039,2188.394287 2619.232666,2179.885986 2633.595703,2173.422852
	C2661.312744,2160.950684 2690.420898,2152.847168 2720.295898,2148.905029
	C2725.501709,2154.707275 2723.898438,2160.528076 2722.590332,2166.339600
	C2713.836426,2205.234863 2700.570068,2242.442383 2679.137695,2278.496094
	C2674.533691,2277.829590 2671.063477,2276.567139 2669.405273,2274.091309
	C2652.325928,2248.586670 2631.297607,2226.964111 2606.701416,2208.675293
	C2601.504639,2204.810791 2596.841064,2200.229492 2591.931641,2195.978760
z"/>
<path fill="#134EBD" opacity="1.000000" stroke="none"
	d="
M2590.888184,2196.415039
	C2596.841064,2200.229492 2601.504639,2204.810791 2606.701416,2208.675293
	C2631.297607,2226.964111 2652.325928,2248.586670 2669.405273,2274.091309
	C2671.063477,2276.567139 2674.533691,2277.829590 2678.545654,2279.759766
	C2678.907715,2281.864258 2677.886475,2283.864502 2676.433838,2286.902344
	C2674.049561,2289.079346 2672.096680,2290.218262 2668.579590,2290.539795
	C2666.078125,2287.994873 2665.251953,2286.195557 2664.185059,2284.552246
	C2658.056641,2275.115479 2647.262695,2264.014404 2640.276611,2259.861084
	C2640.829102,2247.039062 2632.563232,2240.672607 2622.100830,2237.395508
	C2608.610596,2233.169678 2598.574219,2223.662109 2587.056152,2216.470703
	C2582.115967,2213.386230 2577.891113,2208.587158 2582.767090,2200.778076
	C2585.813721,2198.889160 2587.829102,2197.870117 2590.888184,2196.415039
z"/>
<path fill="#1144A8" opacity="1.000000" stroke="none"
	d="
M2640.201172,2261.352539
	C2647.262695,2264.014404 2658.056641,2275.115479 2664.185059,2284.552246
	C2665.251953,2286.195557 2666.078125,2287.994873 2667.548340,2291.010742
	C2667.263428,2296.413086 2664.559326,2301.718018 2660.965820,2297.343506
	C2652.457275,2286.986328 2642.449463,2277.094238 2640.201172,2261.352539
z"/>
<path fill="#0C1630" opacity="1.000000" stroke="none"
	d="
M2659.980469,2507.992432
	C2659.982178,2510.951172 2659.984131,2513.909668 2659.894531,2518.340820
	C2655.487061,2520.374512 2652.530273,2522.198730 2652.010010,2527.056152
	C2651.600830,2530.877197 2650.631836,2534.638672 2647.643555,2538.673340
	C2642.227051,2536.715820 2639.078857,2534.511719 2636.502930,2532.708252
	C2627.428955,2535.570801 2625.206055,2542.901855 2621.385498,2548.957031
	C2607.160156,2571.501953 2590.107422,2591.456299 2567.816650,2606.527832
	C2559.064453,2612.445068 2550.339844,2618.406006 2541.686035,2624.466309
	C2535.333984,2628.915283 2536.381104,2634.343994 2538.669434,2640.166992
	C2533.031982,2641.402832 2532.231689,2644.758301 2530.721680,2648.362305
	C2527.742676,2648.259766 2526.039551,2648.281494 2522.726074,2648.215576
	C2516.815918,2648.036377 2512.515869,2647.944580 2507.126465,2646.731445
	C2499.552734,2642.664551 2493.411133,2644.948975 2486.901855,2646.129395
	C2459.848389,2651.036133 2432.740967,2656.036621 2405.241943,2648.337402
	C2395.198975,2645.525879 2384.908936,2643.526123 2374.641846,2641.648926
	C2372.589355,2641.273438 2370.127197,2643.138428 2366.236328,2643.983643
	C2360.869385,2643.988770 2357.118164,2643.908691 2353.370117,2643.989258
	C2347.117920,2644.123779 2342.533936,2641.599121 2339.789551,2634.436279
	C2338.813965,2626.781494 2333.537842,2625.015625 2328.990967,2622.365967
	C2311.259033,2612.032471 2293.533936,2601.199951 2280.375488,2585.377197
	C2269.057861,2571.768311 2256.691162,2558.597412 2249.160889,2542.154785
	C2246.440674,2536.214600 2241.559082,2535.423096 2235.433105,2534.606934
	C2232.219971,2529.222168 2230.565186,2523.839355 2223.957520,2523.120361
	C2223.821777,2522.303955 2223.567383,2520.668945 2223.723145,2519.082275
	C2224.273926,2515.550049 2223.995605,2512.905518 2225.172607,2511.772217
	C2233.003662,2504.232422 2232.965576,2495.873291 2229.474854,2486.294922
	C2227.000732,2479.505859 2224.499023,2472.214600 2224.468262,2465.137207
	C2224.344482,2436.763916 2220.326172,2408.036133 2229.919922,2380.313721
	C2232.264160,2373.539795 2231.987305,2367.822021 2227.977051,2361.521973
	C2225.289062,2357.299561 2224.804443,2351.674072 2223.333984,2346.676514
	C2223.333984,2346.676514 2223.069580,2345.276123 2224.578857,2344.547852
	C2231.091797,2343.192871 2234.178711,2340.218018 2237.478516,2335.837891
	C2241.818115,2334.706543 2245.631592,2334.209961 2247.389648,2332.044922
	C2251.546631,2326.924316 2254.548828,2320.887207 2258.336182,2315.441895
	C2268.178223,2301.291016 2277.663330,2286.691406 2291.078369,2275.630859
	C2301.289062,2267.212402 2312.502197,2260.007080 2323.293457,2252.296143
	C2328.593994,2248.508545 2333.949707,2244.798096 2339.408447,2240.962646
	C2336.846924,2231.348145 2332.228516,2224.485352 2324.182129,2220.086914
	C2326.414551,2212.851074 2328.159180,2211.064453 2332.079346,2212.583252
	C2336.826416,2214.422852 2341.314209,2217.041260 2346.169922,2218.423096
	C2347.555176,2218.817139 2349.829590,2216.085938 2352.025879,2213.488770
	C2357.078369,2212.070557 2361.701904,2211.908936 2364.380859,2217.114258
	C2366.172607,2220.595947 2368.460693,2223.822021 2370.892334,2227.753662
	C2375.211182,2226.779297 2378.959961,2225.909424 2382.720215,2225.089844
	C2395.025146,2222.406494 2407.164795,2218.857178 2420.049072,2219.822266
	C2423.904053,2220.110840 2427.883301,2218.751465 2431.804199,2218.137695
	C2434.397949,2217.731934 2437.229004,2216.414307 2439.543213,2217.035400
	C2458.771973,2222.196533 2479.461426,2218.448486 2498.158203,2226.840576
	C2503.496826,2229.237061 2506.897949,2225.817627 2510.791504,2220.836426
	C2516.389404,2219.944336 2520.881592,2219.934082 2527.059570,2219.694336
	C2528.745117,2219.464844 2530.174561,2218.919434 2530.922363,2218.754395
	C2533.772217,2236.713623 2543.939941,2247.683838 2559.945312,2256.503906
	C2583.502197,2269.485596 2601.393555,2289.391357 2616.047119,2311.994629
	C2617.131104,2313.666992 2618.291992,2315.297119 2619.262695,2317.033447
	C2625.241943,2327.729492 2632.549805,2336.899902 2646.047607,2338.990479
	C2648.134766,2346.686523 2650.028076,2353.667725 2650.485352,2362.515625
	C2644.156006,2366.174561 2643.525391,2370.169922 2645.218994,2374.060791
	C2653.611816,2393.340576 2649.842529,2414.619629 2655.410645,2434.335938
	C2655.754150,2435.552734 2655.541992,2436.989502 2655.344238,2438.286865
	C2652.568604,2456.502930 2649.793945,2474.718994 2646.907471,2492.917725
	C2646.304443,2496.720459 2645.249756,2500.451904 2644.538330,2503.614990
	C2649.242432,2509.332764 2654.884033,2507.542236 2659.980469,2507.992432
M2417.063721,2633.480957
	C2522.586914,2645.721924 2621.780518,2570.709229 2636.129395,2462.797363
	C2651.324219,2348.520264 2572.095947,2250.208008 2464.677490,2236.781738
	C2344.762695,2221.793457 2253.516357,2308.844238 2240.517822,2406.431641
	C2223.467041,2534.437988 2320.018066,2623.451172 2417.063721,2633.480957
z"/>
<path fill="#0A204E" opacity="1.000000" stroke="none"
	d="
M2221.941895,2346.820801
	C2224.804443,2351.674072 2225.289062,2357.299561 2227.977051,2361.521973
	C2231.987305,2367.822021 2232.264160,2373.539795 2229.919922,2380.313721
	C2220.326172,2408.036133 2224.344482,2436.763916 2224.468262,2465.137207
	C2224.499023,2472.214600 2227.000732,2479.505859 2229.474854,2486.294922
	C2232.965576,2495.873291 2233.003662,2504.232422 2225.172607,2511.772217
	C2223.995605,2512.905518 2224.273926,2515.550049 2222.123291,2518.915527
	C2216.043701,2520.490723 2211.720215,2520.645752 2207.396484,2520.800781
	C2207.396484,2520.800781 2207.378174,2520.341064 2207.689453,2518.701660
	C2209.681152,2512.861572 2211.663086,2508.751221 2212.957031,2504.434326
	C2214.249512,2500.120361 2216.401367,2495.231689 2215.451904,2491.243164
	C2213.138184,2481.522949 2212.039551,2471.815186 2211.470459,2461.895264
	C2211.165039,2456.570801 2208.604736,2451.777832 2203.744385,2448.683838
	C2201.111084,2447.007324 2198.575684,2445.177246 2196.946289,2444.064941
	C2196.946289,2434.708984 2196.946289,2426.902588 2196.946289,2418.813232
	C2201.832520,2416.862549 2205.994141,2415.201172 2209.860596,2413.657715
	C2211.918213,2402.045166 2214.182861,2391.140381 2215.666016,2380.130127
	C2216.445557,2374.342773 2216.432617,2368.639893 2211.740967,2363.405518
	C2208.984131,2360.329834 2208.717529,2355.022705 2207.330811,2350.719238
	C2211.737061,2349.468018 2216.143555,2348.216553 2221.941895,2346.820801
z"/>
<path fill="#0C2964" opacity="1.000000" stroke="none"
	d="
M2205.808105,2350.861816
	C2208.717529,2355.022705 2208.984131,2360.329834 2211.740967,2363.405518
	C2216.432617,2368.639893 2216.445557,2374.342773 2215.666016,2380.130127
	C2214.182861,2391.140381 2211.918213,2402.045166 2209.860596,2413.657715
	C2205.994141,2415.201172 2201.832520,2416.862549 2196.946289,2418.813232
	C2196.946289,2426.902588 2196.946289,2434.708984 2196.946289,2444.064941
	C2198.575684,2445.177246 2201.111084,2447.007324 2203.744385,2448.683838
	C2208.604736,2451.777832 2211.165039,2456.570801 2211.470459,2461.895264
	C2212.039551,2471.815186 2213.138184,2481.522949 2215.451904,2491.243164
	C2216.401367,2495.231689 2214.249512,2500.120361 2212.957031,2504.434326
	C2211.663086,2508.751221 2209.681152,2512.861572 2207.912842,2518.646973
	C2202.182617,2519.050049 2196.540039,2517.868408 2189.498779,2516.299561
	C2185.635742,2504.219482 2196.272217,2504.716064 2202.141846,2501.677246
	C2199.896973,2487.939941 2197.751953,2475.063232 2195.702148,2462.171143
	C2194.564697,2455.016846 2189.927002,2452.310303 2181.683594,2451.926758
	C2180.083252,2439.803223 2180.059082,2427.760986 2180.077148,2413.917969
	C2189.294678,2412.682373 2195.012451,2409.057861 2196.765869,2399.479004
	C2198.513184,2389.934814 2200.942139,2380.515381 2202.856689,2372.000732
	C2201.066406,2364.471680 2190.937500,2363.809326 2192.113770,2354.066406
	C2196.167969,2352.101562 2200.226562,2351.552979 2205.808105,2350.861816
z"/>
<path fill="#0A204E" opacity="1.000000" stroke="none"
	d="
M2236.017822,2335.714355
	C2234.178711,2340.218018 2231.091797,2343.192871 2224.706543,2343.846680
	C2222.247803,2342.241211 2221.170166,2340.608398 2219.698975,2338.084473
	C2220.190430,2333.355469 2221.075684,2329.517822 2223.977539,2324.901855
	C2225.993652,2324.123291 2227.723145,2324.412842 2228.309814,2325.438477
	C2231.270264,2329.547363 2233.644043,2332.630859 2236.017822,2335.714355
z"/>
<path fill="#0C2964" opacity="1.000000" stroke="none"
	d="
M2215.431885,2559.821777
	C2212.218018,2558.565186 2209.004150,2557.308594 2204.477539,2555.918945
	C2205.614258,2551.261475 2208.063721,2546.736572 2212.178223,2540.708984
	C2215.765869,2537.981934 2217.688721,2536.758057 2219.865967,2536.853516
	C2220.928467,2542.402588 2223.945801,2543.696045 2227.385742,2544.938721
	C2225.975586,2547.840332 2224.944092,2549.728271 2222.931641,2552.278076
	C2219.778076,2555.233887 2217.604980,2557.527832 2215.431885,2559.821777
z"/>
<path fill="#394B70" opacity="1.000000" stroke="none"
	d="
M2219.611572,2535.534180
	C2217.688721,2536.758057 2215.765869,2537.981934 2212.750488,2539.551514
	C2210.292725,2534.465576 2208.927246,2529.034180 2207.479248,2522.201660
	C2211.720215,2520.645752 2216.043701,2520.490723 2221.967285,2520.502441
	C2223.567383,2520.668945 2223.821777,2522.303955 2223.427734,2524.268066
	C2221.893066,2529.332764 2220.752441,2532.433350 2219.611572,2535.534180
z"/>
<path fill="#071C4A" opacity="1.000000" stroke="none"
	d="
M2339.877441,2635.833984
	C2342.533936,2641.599121 2347.117920,2644.123779 2353.370117,2643.989258
	C2357.118164,2643.908691 2360.869385,2643.988770 2366.272949,2645.583496
	C2367.952637,2651.432373 2367.978516,2655.694580 2367.988770,2661.443359
	C2367.911865,2665.899902 2367.850586,2668.869385 2367.789307,2671.839111
	C2364.251953,2672.678955 2360.714355,2673.518799 2356.446289,2675.555664
	C2355.715820,2676.753174 2354.394531,2675.853027 2353.636719,2673.933594
	C2351.768799,2665.123291 2352.905273,2657.831055 2349.856934,2649.523438
	C2342.987061,2653.474854 2337.417480,2656.678467 2331.847656,2659.882080
	C2329.433838,2657.819580 2327.020020,2655.756836 2324.631348,2651.645752
	C2325.838867,2647.780273 2327.021240,2645.963135 2329.292236,2643.638184
	C2333.546387,2640.698486 2336.711914,2638.266113 2339.877441,2635.833984
z"/>
<path fill="#475C86" opacity="1.000000" stroke="none"
	d="
M2331.860352,2660.913574
	C2337.417480,2656.678467 2342.987061,2653.474854 2349.856934,2649.523438
	C2352.905273,2657.831055 2351.768799,2665.123291 2352.934570,2673.551758
	C2344.324463,2676.846436 2337.226807,2674.685059 2332.175293,2665.428223
	C2331.925049,2663.319092 2331.899170,2662.632080 2331.860352,2660.913574
z"/>
<path fill="#394254" opacity="1.000000" stroke="none"
	d="
M2539.990234,2639.970703
	C2536.381104,2634.343994 2535.333984,2628.915283 2541.686035,2624.466309
	C2550.339844,2618.406006 2559.064453,2612.445068 2567.816650,2606.527832
	C2590.107422,2591.456299 2607.160156,2571.501953 2621.385498,2548.957031
	C2625.206055,2542.901855 2627.428955,2535.570801 2636.502930,2532.708252
	C2639.078857,2534.511719 2642.227051,2536.715820 2646.488037,2539.601562
	C2647.596191,2541.022461 2647.591797,2541.761963 2646.177246,2543.620605
	C2643.650146,2545.356201 2642.153564,2545.696777 2641.472656,2546.631348
	C2632.681396,2558.702637 2623.883301,2570.773438 2615.401855,2583.061523
	C2613.661133,2585.583496 2613.212891,2588.997314 2610.893555,2592.572754
	C2602.272705,2596.344727 2596.021240,2600.388428 2594.903564,2609.401855
	C2594.601318,2611.837891 2592.875244,2614.097412 2590.413330,2616.424805
	C2574.977295,2624.296143 2560.930664,2632.180664 2545.740967,2640.140625
	C2543.061768,2640.134033 2541.526123,2640.052490 2539.990234,2639.970703
z"/>
<path fill="#536A99" opacity="1.000000" stroke="none"
	d="
M2660.710449,2522.484619
	C2670.437256,2519.576904 2679.854980,2518.088379 2690.866699,2516.796875
	C2690.226074,2530.440918 2685.268311,2542.843994 2676.964355,2555.188721
	C2668.533203,2546.312256 2659.099365,2537.687744 2660.710449,2522.484619
z"/>
<path fill="#586174" opacity="1.000000" stroke="none"
	d="
M2612.168945,2592.000000
	C2613.212891,2588.997314 2613.661133,2585.583496 2615.401855,2583.061523
	C2623.883301,2570.773438 2632.681396,2558.702637 2641.472656,2546.631348
	C2642.153564,2545.696777 2643.650146,2545.356201 2646.071777,2544.724609
	C2649.965332,2547.712891 2652.554199,2550.716064 2654.362305,2555.430420
	C2646.242920,2566.432129 2638.648193,2575.537109 2631.717041,2585.121582
	C2629.517090,2588.163330 2629.084717,2592.483398 2626.559570,2595.727051
	C2620.906494,2594.157227 2616.537842,2593.078613 2612.168945,2592.000000
z"/>
<path fill="#778296" opacity="1.000000" stroke="none"
	d="
M2627.843506,2596.218506
	C2629.084717,2592.483398 2629.517090,2588.163330 2631.717041,2585.121582
	C2638.648193,2575.537109 2646.242920,2566.432129 2654.800049,2556.543945
	C2658.461426,2559.122559 2660.903809,2562.298340 2662.541992,2567.248535
	C2653.428223,2579.044189 2645.046143,2589.007324 2636.892822,2599.153809
	C2635.760254,2600.563477 2635.752441,2602.876709 2634.281250,2604.128662
	C2631.506836,2601.063232 2629.675293,2598.640869 2627.843506,2596.218506
z"/>
<path fill="#9CA8BC" opacity="1.000000" stroke="none"
	d="
M2635.223633,2604.771729
	C2635.752441,2602.876709 2635.760254,2600.563477 2636.892822,2599.153809
	C2645.046143,2589.007324 2653.428223,2579.044189 2662.959717,2568.399658
	C2665.289062,2568.826416 2666.396484,2569.876465 2667.695801,2572.074951
	C2667.653320,2575.839600 2668.288086,2579.003662 2667.041504,2580.981689
	C2659.647461,2592.711914 2652.808105,2605.049072 2637.932129,2610.854492
	C2635.792725,2608.166504 2635.508301,2606.469238 2635.223633,2604.771729
z"/>
<path fill="#5B73A4" opacity="1.000000" stroke="none"
	d="
M2547.040039,2661.301758
	C2549.733887,2664.144287 2552.427734,2666.986816 2555.570557,2670.913086
	C2547.980469,2682.657959 2536.768311,2687.055176 2522.479492,2688.407227
	C2520.883789,2685.534912 2520.742676,2682.506104 2521.405762,2676.925781
	C2522.950684,2670.957764 2523.691406,2667.541260 2525.800049,2664.059570
	C2531.412842,2662.390137 2535.657959,2660.785645 2541.092773,2659.535645
	C2543.868408,2660.360840 2545.454346,2660.831299 2547.040039,2661.301758
z"/>
<path fill="#445881" opacity="1.000000" stroke="none"
	d="
M2462.007812,2183.651123
	C2473.780273,2184.220947 2485.734619,2182.766846 2497.167725,2187.240234
	C2498.599609,2187.800537 2500.832275,2186.313721 2503.860596,2184.743164
	C2510.330322,2190.127686 2507.240479,2197.719971 2507.984131,2206.383301
	C2500.908447,2207.179443 2493.841309,2206.187256 2486.740967,2205.603271
	C2477.661133,2204.856689 2468.553955,2204.439941 2457.970703,2202.407715
	C2458.324463,2195.173340 2460.166260,2189.412109 2462.007812,2183.651123
z"/>
<path fill="#3D4F76" opacity="1.000000" stroke="none"
	d="
M2367.892334,2673.181641
	C2367.850586,2668.869385 2367.911865,2665.899902 2369.640625,2661.439941
	C2382.281006,2661.996826 2393.330811,2663.716064 2404.189453,2666.253174
	C2408.477539,2667.255127 2412.339844,2670.079102 2416.255859,2673.754883
	C2415.589844,2679.907471 2415.063721,2684.379150 2414.537598,2688.850586
	C2401.414551,2687.184082 2388.291260,2685.517822 2373.433594,2683.877441
	C2370.464600,2680.776611 2369.229980,2677.650391 2367.892334,2673.181641
z"/>
<path fill="#445881" opacity="1.000000" stroke="none"
	d="
M2508.097168,2675.889160
	C2507.687988,2677.142578 2507.009033,2678.227051 2503.519043,2679.624268
	C2486.762207,2685.599854 2471.777832,2683.357422 2456.699219,2683.194824
	C2454.914062,2678.675537 2453.555664,2675.423584 2453.193848,2670.975098
	C2465.059082,2667.849609 2475.929688,2665.931641 2486.795898,2663.987793
	C2493.833252,2662.729248 2500.864258,2661.433350 2507.896484,2661.729004
	C2507.962402,2667.499268 2508.029785,2671.694336 2508.097168,2675.889160
z"/>
<path fill="#5B73A4" opacity="1.000000" stroke="none"
	d="
M2457.125977,2684.462646
	C2471.777832,2683.357422 2486.762207,2685.599854 2502.676270,2680.097900
	C2504.275879,2683.089600 2504.177002,2686.089355 2503.886230,2690.580322
	C2492.554199,2691.971924 2481.447510,2691.389404 2470.605713,2695.370361
	C2467.101318,2696.656982 2462.801514,2695.776123 2457.360107,2694.388672
	C2456.278564,2690.081055 2456.702393,2687.271973 2457.125977,2684.462646
z"/>
<path fill="#0A204E" opacity="1.000000" stroke="none"
	d="
M2509.652344,2675.957764
	C2508.029785,2671.694336 2507.962402,2667.499268 2507.963867,2660.190918
	C2508.093994,2654.002686 2508.155029,2650.927734 2508.216064,2647.853027
	C2512.515869,2647.944580 2516.815918,2648.036377 2522.681152,2649.791504
	C2524.308594,2655.678467 2524.370361,2659.901611 2524.432129,2664.124756
	C2523.691406,2667.541260 2522.950684,2670.957764 2521.393555,2675.407227
	C2517.454102,2676.302002 2514.330811,2676.164062 2509.652344,2675.957764
z"/>
<path fill="#6D778A" opacity="1.000000" stroke="none"
	d="
M2215.132812,2560.875488
	C2217.604980,2557.527832 2219.778076,2555.233887 2224.342529,2552.516113
	C2228.478760,2552.907227 2230.900391,2553.247070 2231.859619,2554.613281
	C2238.516357,2564.096924 2245.060059,2573.675537 2251.145996,2583.529053
	C2252.260986,2585.334229 2251.118896,2588.533691 2249.851562,2591.411621
	C2245.206543,2594.882324 2241.728271,2598.031494 2237.625000,2599.771484
	C2232.033447,2589.847656 2227.498291,2581.030518 2221.862793,2572.983887
	C2219.941650,2570.240723 2215.254639,2569.434326 2211.831543,2567.742676
	C2212.832275,2565.804932 2213.832764,2563.867188 2215.132812,2560.875488
z"/>
<path fill="#96A1B5" opacity="1.000000" stroke="none"
	d="
M2210.993652,2568.437500
	C2215.254639,2569.434326 2219.941650,2570.240723 2221.862793,2572.983887
	C2227.498291,2581.030518 2232.033447,2589.847656 2237.203125,2600.530762
	C2237.406494,2602.698730 2236.209229,2603.948486 2236.209229,2603.948486
	C2231.110352,2604.078369 2227.671631,2601.609131 2224.711670,2597.542236
	C2219.707031,2590.666016 2214.246582,2584.121338 2208.300781,2576.196777
	C2208.468018,2573.014648 2209.312012,2571.073486 2210.993652,2568.437500
z"/>
<path fill="#0F2D6A" opacity="1.000000" stroke="none"
	d="
M2256.456299,2234.112549
	C2260.556641,2233.917480 2264.656738,2233.722412 2270.278076,2233.858398
	C2275.147705,2237.438721 2278.496582,2240.688232 2282.712402,2246.269531
	C2282.905029,2267.837891 2278.424072,2273.036377 2258.434082,2276.093262
	C2253.935791,2274.839844 2250.697266,2273.804199 2247.458984,2272.768311
	C2245.920410,2270.276611 2244.381836,2267.784668 2241.930664,2264.645996
	C2239.886719,2256.778320 2240.677734,2249.854492 2244.438232,2241.861572
	C2246.393799,2239.174316 2248.118652,2237.979492 2251.670898,2236.371094
	C2254.737549,2235.749023 2255.723633,2235.134033 2256.456299,2234.112549
z"/>
<path fill="#536A99" opacity="1.000000" stroke="none"
	d="
M2255.446289,2233.463867
	C2255.723633,2235.134033 2254.737549,2235.749023 2252.608887,2235.880859
	C2251.719727,2235.804443 2251.678467,2233.984619 2251.894775,2233.101074
	C2252.886230,2232.416748 2253.661133,2232.615967 2255.446289,2233.463867
z"/>
<path fill="#3F485A" opacity="1.000000" stroke="none"
	d="
M2259.694336,2276.311035
	C2278.424072,2273.036377 2282.905029,2267.837891 2283.507812,2247.167480
	C2294.638916,2237.524902 2305.841553,2229.316162 2318.036865,2220.243652
	C2319.883301,2219.528809 2320.737305,2219.677979 2322.886719,2219.957031
	C2332.228516,2224.485352 2336.846924,2231.348145 2339.408447,2240.962646
	C2333.949707,2244.798096 2328.593994,2248.508545 2323.293457,2252.296143
	C2312.502197,2260.007080 2301.289062,2267.212402 2291.078369,2275.630859
	C2277.663330,2286.691406 2268.178223,2301.291016 2258.336182,2315.441895
	C2254.548828,2320.887207 2251.546631,2326.924316 2247.389648,2332.044922
	C2245.631592,2334.209961 2241.818115,2334.706543 2237.478516,2335.837891
	C2233.644043,2332.630859 2231.270264,2329.547363 2229.542969,2324.751221
	C2231.582031,2321.701416 2233.444336,2320.610107 2234.292480,2318.988281
	C2240.894775,2306.364258 2248.430908,2294.413086 2257.770020,2283.583008
	C2259.242432,2281.875732 2259.093750,2278.770264 2259.694336,2276.311035
z"/>
<path fill="#5B6477" opacity="1.000000" stroke="none"
	d="
M2258.434082,2276.093262
	C2259.093750,2278.770264 2259.242432,2281.875732 2257.770020,2283.583008
	C2248.430908,2294.413086 2240.894775,2306.364258 2234.292480,2318.988281
	C2233.444336,2320.610107 2231.582031,2321.701416 2228.956299,2323.725586
	C2227.723145,2324.412842 2225.993652,2324.123291 2225.128662,2323.987793
	C2222.820801,2320.907715 2221.378174,2317.962891 2219.711182,2313.815430
	C2221.096680,2311.492920 2223.182861,2310.707031 2224.239746,2309.199463
	C2232.077881,2298.020020 2239.711670,2286.696777 2247.434082,2274.093750
	C2250.697266,2273.804199 2253.935791,2274.839844 2258.434082,2276.093262
z"/>
<path fill="#0C2964" opacity="1.000000" stroke="none"
	d="
M2461.705566,2182.187012
	C2460.166260,2189.412109 2458.324463,2195.173340 2456.179688,2202.413574
	C2446.183594,2203.909668 2436.362549,2204.959961 2425.673340,2200.121094
	C2422.643799,2195.313965 2421.183105,2190.735107 2419.356201,2184.717773
	C2419.427979,2180.524414 2419.865723,2177.769531 2420.550293,2173.639648
	C2424.036377,2169.760986 2427.275879,2167.257324 2431.398193,2163.866699
	C2436.387939,2162.816162 2440.494629,2162.652588 2446.145996,2162.449707
	C2452.638428,2168.232422 2461.042480,2171.466064 2461.705566,2182.187012
z"/>
<path fill="#0C2964" opacity="1.000000" stroke="none"
	d="
M2693.417969,2460.000977
	C2689.271484,2460.030518 2686.326416,2459.677002 2681.227051,2458.188965
	C2675.465820,2453.921875 2671.859131,2450.789062 2668.221191,2446.101562
	C2669.523682,2436.495605 2670.857422,2428.444580 2673.473145,2420.088379
	C2677.951660,2418.367920 2681.148193,2416.952637 2685.825195,2415.624023
	C2690.270020,2415.657227 2693.234375,2415.603760 2696.198730,2415.550293
	C2700.315918,2419.370117 2704.433105,2423.190186 2709.607666,2427.551758
	C2710.752441,2433.610352 2710.839844,2439.126953 2710.555176,2446.270020
	C2704.995117,2451.803467 2699.807373,2455.710938 2693.417969,2460.000977
z"/>
<path fill="#313A4D" opacity="1.000000" stroke="none"
	d="
M2672.190918,2420.393311
	C2670.857422,2428.444580 2669.523682,2436.495605 2667.034668,2447.220703
	C2662.943359,2466.474365 2659.915283,2483.039307 2657.241699,2499.661377
	C2657.021729,2501.029541 2659.207764,2502.784668 2660.275879,2504.359863
	C2660.275879,2504.359863 2660.167236,2506.179443 2660.073730,2507.085938
	C2654.884033,2507.542236 2649.242432,2509.332764 2644.538330,2503.614990
	C2645.249756,2500.451904 2646.304443,2496.720459 2646.907471,2492.917725
	C2649.793945,2474.718994 2652.568604,2456.502930 2655.344238,2438.286865
	C2655.541992,2436.989502 2655.754150,2435.552734 2655.410645,2434.335938
	C2649.842529,2414.619629 2653.611816,2393.340576 2645.218994,2374.060791
	C2643.525391,2370.169922 2644.156006,2366.174561 2650.477051,2364.043701
	C2653.779053,2363.806885 2655.652832,2363.908936 2658.814453,2365.775879
	C2662.499756,2379.706299 2664.789307,2391.894775 2667.342529,2404.028076
	C2668.513428,2409.592773 2666.317383,2416.211426 2672.190918,2420.393311
z"/>
<path fill="#5B6477" opacity="1.000000" stroke="none"
	d="
M2673.473145,2420.088379
	C2666.317383,2416.211426 2668.513428,2409.592773 2667.342529,2404.028076
	C2664.789307,2391.894775 2662.499756,2379.706299 2660.214844,2365.909180
	C2666.098145,2364.420166 2671.869141,2364.562012 2678.818848,2367.309570
	C2680.079834,2373.756836 2679.157715,2377.973877 2680.427246,2381.371338
	C2684.595459,2392.524170 2683.673340,2404.087891 2684.344727,2415.537354
	C2681.148193,2416.952637 2677.951660,2418.367920 2673.473145,2420.088379
z"/>
<path fill="#808B9E" opacity="1.000000" stroke="none"
	d="
M2685.825195,2415.624023
	C2683.673340,2404.087891 2684.595459,2392.524170 2680.427246,2381.371338
	C2679.157715,2377.973877 2680.079834,2373.756836 2680.065430,2368.032715
	C2683.131592,2366.524658 2686.130615,2366.899170 2690.560791,2367.751953
	C2692.115723,2371.442139 2691.404785,2374.980713 2692.510986,2377.808350
	C2696.875000,2388.965088 2695.936035,2400.556641 2696.196777,2413.811523
	C2693.234375,2415.603760 2690.270020,2415.657227 2685.825195,2415.624023
z"/>
<path fill="#4C5467" opacity="1.000000" stroke="none"
	d="
M2661.756836,2504.315918
	C2659.207764,2502.784668 2657.021729,2501.029541 2657.241699,2499.661377
	C2659.915283,2483.039307 2662.943359,2466.474365 2667.065918,2448.775391
	C2671.859131,2450.789062 2675.465820,2453.921875 2679.753906,2458.003418
	C2673.691406,2472.005615 2671.758301,2486.037109 2672.067383,2502.218018
	C2669.178223,2504.042725 2666.207764,2504.157471 2661.756836,2504.315918
z"/>
<path fill="#0F2D6A" opacity="1.000000" stroke="none"
	d="
M2236.343262,2605.484131
	C2236.209229,2603.948486 2237.406494,2602.698730 2237.828125,2601.939453
	C2241.728271,2598.031494 2245.206543,2594.882324 2251.544922,2591.667480
	C2256.396973,2591.678467 2258.402588,2591.941895 2260.378906,2591.799316
	C2268.786621,2591.194092 2274.447266,2594.833984 2277.319092,2602.687256
	C2278.449219,2605.778320 2279.205078,2609.005859 2280.042236,2613.395508
	C2279.813965,2616.246582 2279.675049,2617.873779 2278.565186,2620.257812
	C2274.408447,2624.600342 2271.222900,2628.185791 2268.037598,2631.771484
	C2266.732178,2631.879639 2265.423828,2632.107422 2264.121582,2632.078125
	C2244.357910,2631.632568 2239.793457,2627.483887 2236.343262,2605.484131
z"/>
<path fill="#778296" opacity="1.000000" stroke="none"
	d="
M2268.544434,2633.025635
	C2271.222900,2628.185791 2274.408447,2624.600342 2279.787109,2620.952148
	C2287.098145,2624.845703 2292.618652,2628.385986 2297.239502,2632.856201
	C2304.173828,2639.564453 2314.001953,2642.775391 2319.270264,2651.392822
	C2313.851562,2655.599121 2308.433105,2659.805664 2301.729492,2664.130371
	C2296.844971,2660.432861 2293.422607,2656.429443 2289.607422,2652.843506
	C2282.881592,2646.521484 2275.916260,2640.453857 2268.544434,2633.025635
z"/>
<path fill="#555E70" opacity="1.000000" stroke="none"
	d="
M2320.349609,2651.484863
	C2314.001953,2642.775391 2304.173828,2639.564453 2297.239502,2632.856201
	C2292.618652,2628.385986 2287.098145,2624.845703 2280.758301,2620.195068
	C2279.675049,2617.873779 2279.813965,2616.246582 2281.435547,2613.455566
	C2296.936768,2621.309814 2310.993164,2630.269775 2324.918457,2639.428955
	C2326.404785,2640.406738 2327.126709,2642.545654 2328.203613,2644.145996
	C2327.021240,2645.963135 2325.838867,2647.780273 2324.125000,2650.541504
	C2322.871338,2651.516113 2322.149902,2651.546387 2320.349609,2651.484863
z"/>
<path fill="#0F2D6A" opacity="1.000000" stroke="none"
	d="
M2634.281250,2604.128662
	C2635.508301,2606.469238 2635.792725,2608.166504 2636.612793,2611.041504
	C2635.722900,2625.689697 2629.425537,2634.832275 2613.711426,2637.228027
	C2607.775146,2635.737061 2603.323486,2633.945312 2597.358398,2630.345215
	C2594.497559,2624.504150 2593.150146,2620.471191 2591.802734,2616.437988
	C2592.875244,2614.097412 2594.601318,2611.837891 2594.903564,2609.401855
	C2596.021240,2600.388428 2602.272705,2596.344727 2610.893555,2592.572754
	C2616.537842,2593.078613 2620.906494,2594.157227 2626.559570,2595.727051
	C2629.675293,2598.640869 2631.506836,2601.063232 2634.281250,2604.128662
z"/>
<path fill="#677083" opacity="1.000000" stroke="none"
	d="
M2590.413574,2616.424805
	C2593.150146,2620.471191 2594.497559,2624.504150 2596.020996,2629.805664
	C2592.918701,2640.060547 2583.385010,2641.751221 2577.064697,2647.192627
	C2573.614014,2650.163574 2569.179443,2651.871338 2568.324463,2658.439697
	C2564.948730,2657.635986 2561.644531,2655.454346 2556.202637,2652.006836
	C2551.671387,2647.182129 2549.277832,2643.623779 2546.884277,2640.065186
	C2560.930664,2632.180664 2574.977295,2624.296143 2590.413574,2616.424805
z"/>
<path fill="#0A204E" opacity="1.000000" stroke="none"
	d="
M2545.740967,2640.140625
	C2549.277832,2643.623779 2551.671387,2647.182129 2555.095215,2651.552734
	C2555.675293,2656.376953 2553.986572,2659.392334 2548.377930,2660.816162
	C2545.454346,2660.831299 2543.868408,2660.360840 2540.606445,2658.548340
	C2536.619385,2654.299805 2534.308350,2651.393311 2531.997559,2648.486816
	C2532.231689,2644.758301 2533.031982,2641.402832 2538.669434,2640.166992
	C2541.526123,2640.052490 2543.061768,2640.134033 2545.740967,2640.140625
z"/>
<path fill="#0A2A6A" opacity="1.000000" stroke="none"
	d="
M2456.699219,2683.194824
	C2456.702393,2687.271973 2456.278564,2690.081055 2455.607910,2694.288086
	C2451.909912,2698.926758 2448.458740,2702.167969 2444.526367,2706.499023
	C2439.753662,2707.746094 2435.461914,2707.903564 2429.557617,2708.000000
	C2423.666504,2702.476807 2415.340576,2700.176758 2414.833008,2690.193604
	C2415.063721,2684.379150 2415.589844,2679.907471 2417.762695,2673.539062
	C2430.414795,2667.102051 2441.365967,2665.920898 2452.197266,2672.171631
	C2453.555664,2675.423584 2454.914062,2678.675537 2456.699219,2683.194824
z"/>
<path fill="#D3DFF6" opacity="1.000000" stroke="none"
	d="
M2415.330566,2633.233398
	C2320.018066,2623.451172 2223.467041,2534.437988 2240.517822,2406.431641
	C2253.516357,2308.844238 2344.762695,2221.793457 2464.677490,2236.781738
	C2572.095947,2250.208008 2651.324219,2348.520264 2636.129395,2462.797363
	C2621.780518,2570.709229 2522.586914,2645.721924 2415.330566,2633.233398
M2502.589355,2585.079102
	C2565.421387,2559.132324 2613.801270,2492.010742 2598.719971,2406.039795
	C2581.953857,2310.463379 2489.846680,2255.387695 2404.452881,2275.826904
	C2335.745605,2292.272461 2292.347656,2335.879639 2278.237793,2405.066162
	C2264.786621,2471.023926 2293.178711,2532.835938 2345.708496,2569.001709
	C2393.668945,2602.021729 2445.494385,2606.639160 2502.589355,2585.079102
z"/>
<path fill="#3F485A" opacity="1.000000" stroke="none"
	d="
M2329.291992,2643.638184
	C2327.126709,2642.545654 2326.404785,2640.406738 2324.918457,2639.428955
	C2310.993164,2630.269775 2296.936768,2621.309814 2281.524902,2612.231689
	C2279.205078,2609.005859 2278.449219,2605.778320 2277.319092,2602.687256
	C2274.447266,2594.833984 2268.786621,2591.194092 2260.378906,2591.799316
	C2258.402588,2591.941895 2256.396973,2591.678467 2252.711670,2591.345703
	C2251.118896,2588.533691 2252.260986,2585.334229 2251.145996,2583.529053
	C2245.060059,2573.675537 2238.516357,2564.096924 2231.859619,2554.613281
	C2230.900391,2553.247070 2228.478760,2552.907227 2225.323242,2551.854492
	C2224.944092,2549.728271 2225.975586,2547.840332 2228.475830,2544.446289
	C2231.951416,2540.552246 2233.958252,2538.164307 2235.965088,2535.776611
	C2241.559082,2535.423096 2246.440674,2536.214600 2249.160889,2542.154785
	C2256.691162,2558.597412 2269.057861,2571.768311 2280.375488,2585.377197
	C2293.533936,2601.199951 2311.259033,2612.032471 2328.990967,2622.365967
	C2333.537842,2625.015625 2338.813965,2626.781494 2339.789551,2634.436279
	C2336.711914,2638.266113 2333.546387,2640.698486 2329.291992,2643.638184
z"/>
<path fill="#22304E" opacity="1.000000" stroke="none"
	d="
M2453.193848,2670.975098
	C2441.365967,2665.920898 2430.414795,2667.102051 2417.902832,2671.857910
	C2412.339844,2670.079102 2408.477539,2667.255127 2404.189453,2666.253174
	C2393.330811,2663.716064 2382.281006,2661.996826 2369.656250,2659.953125
	C2367.978516,2655.694580 2367.952637,2651.432373 2367.890137,2645.570557
	C2370.127197,2643.138428 2372.589355,2641.273438 2374.641846,2641.648926
	C2384.908936,2643.526123 2395.198975,2645.525879 2405.241943,2648.337402
	C2432.740967,2656.036621 2459.848389,2651.036133 2486.901855,2646.129395
	C2493.411133,2644.948975 2499.552734,2642.664551 2507.126465,2646.731445
	C2508.155029,2650.927734 2508.093994,2654.002686 2507.965332,2658.615723
	C2500.864258,2661.433350 2493.833252,2662.729248 2486.795898,2663.987793
	C2475.929688,2665.931641 2465.059082,2667.849609 2453.193848,2670.975098
z"/>
<path fill="#0A204E" opacity="1.000000" stroke="none"
	d="
M2235.433105,2534.606934
	C2233.958252,2538.164307 2231.951416,2540.552246 2228.854492,2543.432617
	C2223.945801,2543.696045 2220.928467,2542.402588 2219.865967,2536.853516
	C2220.752441,2532.433350 2221.893066,2529.332764 2223.563477,2525.084473
	C2230.565186,2523.839355 2232.219971,2529.222168 2235.433105,2534.606934
z"/>
<path fill="#133B86" opacity="1.000000" stroke="none"
	d="
M2530.721680,2648.362305
	C2534.308350,2651.393311 2536.619385,2654.299805 2539.416504,2658.193604
	C2535.657959,2660.785645 2531.412842,2662.390137 2525.800293,2664.059570
	C2524.370361,2659.901611 2524.308594,2655.678467 2524.291504,2649.879395
	C2526.039551,2648.281494 2527.742676,2648.259766 2530.721680,2648.362305
z"/>
<path fill="#2051AD" opacity="1.000000" stroke="none"
	d="
M2501.194824,2585.742188
	C2445.494385,2606.639160 2393.668945,2602.021729 2345.708496,2569.001709
	C2293.178711,2532.835938 2264.786621,2471.023926 2278.237793,2405.066162
	C2292.347656,2335.879639 2335.745605,2292.272461 2404.452881,2275.826904
	C2489.846680,2255.387695 2581.953857,2310.463379 2598.719971,2406.039795
	C2613.801270,2492.010742 2565.421387,2559.132324 2501.194824,2585.742188
M2391.324463,2575.701904
	C2405.668945,2578.389648 2419.951904,2582.921631 2434.369873,2583.399902
	C2469.499756,2584.565430 2501.219727,2573.394531 2529.083984,2551.881104
	C2573.836670,2517.328369 2598.877441,2455.916504 2580.951904,2394.854736
	C2572.602539,2366.414307 2556.832520,2343.234375 2535.064697,2323.614258
	C2498.039795,2290.241943 2454.531250,2281.010986 2406.740479,2290.221680
	C2374.954834,2296.347900 2348.561035,2312.939209 2327.615967,2337.546875
	C2295.772705,2374.958252 2284.246826,2418.362793 2294.539062,2466.202881
	C2305.880127,2518.919189 2338.095703,2554.908691 2391.324463,2575.701904
z"/>
<path fill="#8CAFF3" opacity="1.000000" stroke="none"
	d="
M2389.822266,2575.186523
	C2338.095703,2554.908691 2305.880127,2518.919189 2294.539062,2466.202881
	C2284.246826,2418.362793 2295.772705,2374.958252 2327.615967,2337.546875
	C2348.561035,2312.939209 2374.954834,2296.347900 2406.740479,2290.221680
	C2454.531250,2281.010986 2498.039795,2290.241943 2535.064697,2323.614258
	C2556.832520,2343.234375 2572.602539,2366.414307 2580.951904,2394.854736
	C2598.877441,2455.916504 2573.836670,2517.328369 2529.083984,2551.881104
	C2501.219727,2573.394531 2469.499756,2584.565430 2434.369873,2583.399902
	C2419.951904,2582.921631 2405.668945,2578.389648 2389.822266,2575.186523
z"/>
</svg>